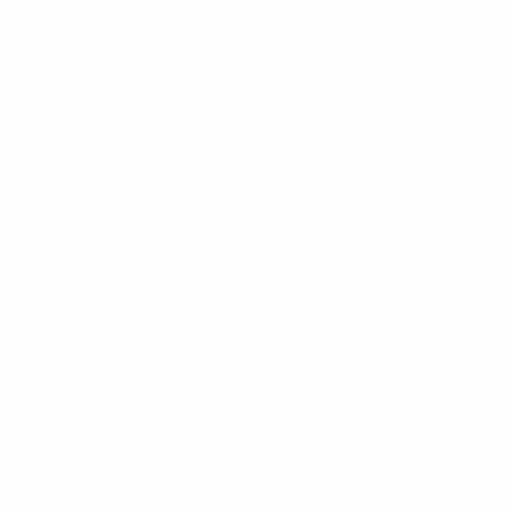
<?xml version="1.0" encoding="UTF-8"?>
<svg version="1.1" xmlns="http://www.w3.org/2000/svg" width="4167" height="4168">
<path d="M0 0 C1375.11 0 2750.22 0 4167 0 C4167 1375.44 4167 2750.88 4167 4168 C2791.89 4168 1416.78 4168 0 4168 C0 2792.56 0 1417.12 0 0 Z " fill="#030303" transform="translate(0,0)"/>
<path d="M0 0 C1375.11 0 2750.22 0 4167 0 C4167 1375.44 4167 2750.88 4167 4168 C2791.89 4168 1416.78 4168 0 4168 C0 2792.56 0 1417.12 0 0 Z M2061.64067078 360.5211792 C2059.0779284 360.9858696 2056.80994174 361.09603126 2054.2109375 361.05004883 C2053.28283264 361.03724884 2052.35472778 361.02444885 2051.39849854 361.01126099 C2050.40074402 360.99336517 2049.4029895 360.97546936 2048.375 360.95703125 C2046.21583721 360.93108906 2044.05665593 360.90665167 2041.89746094 360.88354492 C2040.77045776 360.87100677 2039.64345459 360.85846863 2038.4822998 360.84555054 C2018.23783061 360.65341011 1998.91387562 361.09026742 1979 365 C1977.06907956 365.34283755 1975.13809119 365.68529281 1973.20703125 366.02734375 C1927.19301414 374.65943068 1882.7398184 396.90662749 1848.4609375 428.72265625 C1846.26040554 430.75902154 1844.02271297 432.73261853 1841.75 434.6875 C1835.29736051 440.31220407 1829.49518012 446.443251 1824 453 C1823.36384766 453.75748535 1823.36384766 453.75748535 1822.71484375 454.53027344 C1814.09323308 464.86299764 1805.04345176 475.91309648 1799 488 C1795.77463075 486.59285361 1793.12096304 484.65283885 1790.33374023 482.5234375 C1764.19077721 462.58642616 1734.44626864 449.14705508 1703 440 C1702.27731934 439.78472656 1701.55463867 439.56945312 1700.81005859 439.34765625 C1639.60904128 421.31358846 1570.46506928 430.29940143 1513.69165039 457.75732422 C1504.31700216 462.1513589 1494.96088163 464.48519271 1484.8828125 466.6640625 C1461.54419237 471.7587402 1438.27731906 482.52466349 1418 495 C1417.40719238 495.36303223 1416.81438477 495.72606445 1416.20361328 496.10009766 C1402.2892766 504.68811869 1389.28794017 514.21779406 1377 525 C1376.16082031 525.72703125 1375.32164062 526.4540625 1374.45703125 527.203125 C1363.42035632 536.92548138 1352.91965336 547.28571498 1344 559 C1343.4740625 559.68723145 1342.948125 560.37446289 1342.40625 561.08251953 C1334.58509089 571.34560863 1327.22460965 581.68926737 1321 593 C1320.56059082 593.79664063 1320.12118164 594.59328125 1319.66845703 595.4140625 C1300.6929451 629.97611109 1300.6929451 629.97611109 1293 668 C1292.34741211 667.77860352 1291.69482422 667.55720703 1291.02246094 667.32910156 C1277.6007347 662.8113156 1264.35598147 658.71990894 1250.37011719 656.40576172 C1248.09177356 656.01571154 1245.83433909 655.56277803 1243.5703125 655.09765625 C1191.98156399 645.31481166 1133.65853937 655.76949945 1087 679 C1086.09701172 679.44601562 1085.19402344 679.89203125 1084.26367188 680.3515625 C1071.96124233 686.4741289 1060.13005831 692.92636706 1049 701 C1048.33387695 701.47969238 1047.66775391 701.95938477 1046.98144531 702.45361328 C1038.56166315 708.5480624 1030.61265913 714.91140073 1023 722 C1021.67062367 723.15042183 1020.33742392 724.29644388 1019 725.4375 C1015.95290502 728.06138734 1013.24467598 730.8756967 1010.5 733.8125 C1005.86456589 738.51172449 1000.9267208 741.74607037 995.31323242 745.11083984 C980.56707156 754.00021067 966.35266122 765.17885206 954.40625 777.59375 C953 779 953 779 950.5 780.9375 C947.64814752 783.2902783 945.39225744 785.88153491 943 788.69140625 C940.83411712 791.1914781 938.57584513 793.58794149 936.3125 796 C908.62401299 826.45733571 889.74898813 864.51727728 879 904 C878.68724121 905.13743652 878.68724121 905.13743652 878.36816406 906.29785156 C875.11902748 918.34650476 873.4035132 930.61396732 872 943 C871.90211182 943.8444165 871.80422363 944.68883301 871.70336914 945.55883789 C870.86575333 953.59202934 870.80402223 961.61949254 870.8125 969.6875 C870.8117749 970.39189209 870.8110498 971.09628418 870.81030273 971.82202148 C870.81146424 982.02580895 871.28063839 991.92636221 873 1002 C872.1970752 1002.0093457 871.39415039 1002.01869141 870.56689453 1002.02832031 C807.35588213 1002.94507323 749.0734489 1022.74247484 700 1063 C699.13810059 1063.70527832 699.13810059 1063.70527832 698.25878906 1064.42480469 C685.2624274 1075.1306754 673.36081718 1086.6999439 663 1100 C662.12142527 1101.08986059 661.24113138 1102.17833692 660.359375 1103.265625 C646.8620171 1120.00434348 635.47226322 1138.31812419 626.25 1157.75 C623.80731164 1162.75838981 621.11899357 1166.42230788 617.2890625 1170.4296875 C597.35574286 1192.81215221 582.18180228 1222.69974619 573 1251 C572.72494629 1251.83354004 572.44989258 1252.66708008 572.16650391 1253.52587891 C550.50039361 1319.79799309 553.07303608 1390.36110261 584.19140625 1453.4140625 C584.45824219 1453.93742187 584.72507812 1454.46078125 585 1455 C584.22398437 1455.08121094 583.44796875 1455.16242188 582.6484375 1455.24609375 C577.70872448 1456.26682674 573.27154525 1458.12817167 568.625 1460.0625 C567.64982422 1460.465896 566.67464844 1460.86929199 565.66992188 1461.28491211 C542.66107508 1470.92543763 521.51241902 1483.43277972 502 1499 C501.01902344 1499.7734375 500.03804687 1500.546875 499.02734375 1501.34375 C483.99363619 1513.60349603 469.61115328 1527.57607276 458.22265625 1543.31982422 C456.91287217 1545.11973118 455.56881275 1546.89029093 454.21875 1548.66015625 C447.83523271 1557.09047296 442.15245647 1565.768259 437 1575 C436.54512207 1575.80872559 436.09024414 1576.61745117 435.62158203 1577.45068359 C417.86678739 1609.32389162 407.06366409 1642.93306728 402.5625 1679.0625 C401.56012621 1686.88583394 399.57388387 1693.59298358 396.61328125 1700.87109375 C390.41702517 1716.26978467 387.43241635 1732.65674093 385 1749 C384.82122314 1750.07830078 384.64244629 1751.15660156 384.45825195 1752.26757812 C382.74322142 1763.43322904 382.64460744 1774.4743092 382.6875 1785.75 C382.69023422 1787.23717529 382.69023422 1787.23717529 382.69302368 1788.75439453 C382.80994149 1826.57635208 389.73260786 1862.22427346 405 1897 C405.4321582 1897.98758301 405.4321582 1897.98758301 405.87304688 1898.99511719 C418.18514602 1926.86002657 436.22625653 1953.60049897 458 1975 C456.80254764 1978.59235709 455.67118586 1979.25390793 452.6875 1981.5 C446.48067102 1986.3441399 440.69512202 1991.57323451 435 1997 C434.39961914 1997.57169922 433.79923828 1998.14339844 433.18066406 1998.73242188 C424.83898109 2006.73389166 417.19529262 2014.9514924 410.31054688 2024.24072266 C408.98202909 2026.02412413 407.62639963 2027.78409516 406.265625 2029.54296875 C371.24588632 2075.34752541 354.81806716 2132.87842878 354.6875 2189.9375 C354.68373352 2190.84725586 354.67996704 2191.75701172 354.67608643 2192.69433594 C354.64494465 2207.52987839 355.33383263 2222.19301117 358.54711914 2236.72558594 C360.78841931 2246.88841171 361.37232619 2256.88767318 361.5625 2267.25 C362.10971819 2295.9265183 365.52853768 2324.80135299 375 2352 C375.29181152 2352.89444824 375.58362305 2353.78889648 375.88427734 2354.71044922 C384.07680902 2379.81502552 395.61676046 2403.50984627 411 2425 C411.73734375 2426.03125 412.4746875 2427.0625 413.234375 2428.125 C415.43878314 2431.12674726 417.69844362 2434.07216977 420 2437 C420.73734375 2437.94359375 421.4746875 2438.8871875 422.234375 2439.859375 C434.7170377 2455.2043043 449.27576529 2470.22878709 465.35351562 2481.80224609 C467.09985458 2483.07264035 468.80798116 2484.38515033 470.515625 2485.70703125 C479.50491895 2492.59019324 489.00405834 2498.32145393 498.89453125 2503.81591797 C500.27733853 2504.59358672 501.65030237 2505.38907654 503.01171875 2506.20361328 C506.7355998 2508.46319885 506.7355998 2508.46319885 511 2509 C510.68361572 2509.5168335 510.36723145 2510.03366699 510.04125977 2510.56616211 C472.40134129 2572.22373883 455.4695952 2643.03125718 471.53881836 2714.81103516 C479.29493174 2746.32281241 491.20387237 2777.84424706 509.25 2804.9375 C512.09577835 2809.55685126 513.56149173 2814.48606303 515.1875 2819.625 C523.6273198 2846.18917248 537.3306273 2870.74974162 554 2893 C554.45197754 2893.6089209 554.90395508 2894.2178418 555.36962891 2894.84521484 C562.59081564 2904.51828316 570.62334062 2913.32075208 579 2922 C579.89976562 2922.94101563 580.79953125 2923.88203125 581.7265625 2924.8515625 C587.45638761 2930.72690698 593.56583308 2935.91548023 600 2941 C601.07123058 2941.87257203 602.14151088 2942.74631172 603.2109375 2943.62109375 C630.34337421 2965.63568836 676.60862127 2995.34262664 713 2994 C712.70996094 2995.22009766 712.70996094 2995.22009766 712.4140625 2996.46484375 C708.60978709 3013.20742216 707.62078983 3029.57387303 707.6875 3046.6875 C707.68932281 3047.65933228 707.69114563 3048.63116455 707.69302368 3049.63244629 C707.73441912 3062.73821397 707.9353905 3075.63532421 710.50830078 3088.53173828 C711.04825633 3091.24224009 711.52126401 3093.96096289 711.99609375 3096.68359375 C716.02289768 3118.69222224 723.27167587 3139.87458519 733 3160 C733.37737305 3160.79954102 733.75474609 3161.59908203 734.14355469 3162.42285156 C745.54980238 3186.55253034 760.55629109 3208.68375021 779 3228 C780.2589773 3229.42964416 781.51003631 3230.86633393 782.75 3232.3125 C785.42187314 3235.39787731 788.24510162 3238.26949011 791.15820312 3241.12597656 C792.93444172 3242.93329462 794.58750978 3244.79745801 796.234375 3246.72265625 C799.91785583 3250.95612827 803.78137462 3254.97177531 807.75 3258.9375 C808.44810791 3259.63770264 809.14621582 3260.33790527 809.86547852 3261.05932617 C813.73369587 3264.89462253 817.64627725 3268.45941481 821.9375 3271.8125 C827.52675226 3276.2136178 831.68966491 3281.37505254 836 3287 C840.72271303 3293.01072568 845.55372035 3298.84369822 850.7109375 3304.48828125 C852.25260229 3306.1799032 853.77845444 3307.88605651 855.2890625 3309.60546875 C859.90582863 3314.84890932 864.65872576 3319.51153425 870 3324 C870.98355469 3324.87140625 871.96710937 3325.7428125 872.98046875 3326.640625 C887.13570077 3339.14761645 902.28784379 3349.67929349 918.82470703 3358.79492188 C920.78057952 3359.8784445 922.71797653 3360.98809592 924.65234375 3362.109375 C945.24408707 3373.69078294 968.31083788 3381.52899599 991.3125 3386.6875 C992.15184082 3386.87803955 992.99118164 3387.0685791 993.85595703 3387.26489258 C1011.09598819 3390.92811938 1028.15966309 3392.46667735 1045.76367188 3392.28125 C1048.79048871 3392.24957631 1051.81678224 3392.24020356 1054.84375 3392.234375 C1056.80729795 3392.22521953 1058.7708407 3392.21484846 1060.734375 3392.203125 C1061.6199408 3392.19887512 1062.50550659 3392.19462524 1063.41790771 3392.19024658 C1073.48865203 3392.46142638 1073.48865203 3392.46142638 1083 3390 C1083.03738281 3390.54785156 1083.07476563 3391.09570312 1083.11328125 3391.66015625 C1087.8189689 3448.40521325 1118.25979021 3501.63090963 1157 3542 C1157.85335937 3542.89460938 1158.70671875 3543.78921875 1159.5859375 3544.7109375 C1165.36579414 3550.63665803 1171.52840116 3555.85118591 1178 3561 C1179.12290236 3561.93402785 1180.24391346 3562.87033287 1181.36328125 3563.80859375 C1196.6720894 3576.53279792 1213.74441529 3586.16067813 1231.1328125 3595.74609375 C1234.55226574 3597.63109321 1237.94947996 3599.53808613 1241.3046875 3601.53515625 C1250.97186629 3607.25984055 1261.0638982 3611.48396583 1271.4609375 3615.71875 C1279.20561177 3618.8819581 1286.63477958 3622.19154884 1293.4375 3627.125 C1348.88075828 3667.22156439 1423.67300203 3679.06742059 1490.06835938 3668.51220703 C1513.00227112 3664.51451746 1535.02620744 3656.39963759 1556.16015625 3646.796875 C1558 3646 1558 3646 1561 3645 C1561.391875 3645.804375 1561.78375 3646.60875 1562.1875 3647.4375 C1566.58062576 3656.07226442 1571.57611719 3664.18039301 1576.9375 3672.25 C1577.59298828 3673.24257812 1578.24847656 3674.23515625 1578.92382812 3675.2578125 C1585.46332126 3684.99281313 1592.85965975 3693.88637614 1600.76171875 3702.5390625 C1602.23984046 3704.16422249 1603.70127261 3705.80473906 1605.14453125 3707.4609375 C1634.69755889 3741.22061232 1676.81569373 3765.02248561 1719 3779 C1719.66193359 3779.21962402 1720.32386719 3779.43924805 1721.00585938 3779.66552734 C1736.87722746 3784.7795464 1753.52979728 3787.46473288 1769.88052368 3790.59057617 C1771.97913686 3790.99596982 1774.07496933 3791.41374311 1776.1706543 3791.83398438 C1784.61419685 3793.50560775 1792.98111288 3794.54794304 1801.5625 3795.25 C1812.83779058 3796.3061108 1822.91303677 3798.75879122 1833.6328125 3802.29296875 C1841.936699 3805.01279676 1850.38847819 3806.60301261 1859 3808 C1860.31436035 3808.22429688 1860.31436035 3808.22429688 1861.65527344 3808.453125 C1892.02958069 3813.4704545 1923.78093514 3812.48705176 1954 3807 C1955.56621094 3806.71914551 1955.56621094 3806.71914551 1957.1640625 3806.43261719 C1971.19154821 3803.83609729 1984.62540123 3799.93799817 1998 3795 C1998.8362793 3794.69191406 1999.67255859 3794.38382813 2000.53417969 3794.06640625 C2034.40851292 3781.41438872 2064.29302589 3762.73057484 2090.37109375 3737.7265625 C2091.07363281 3737.07429688 2091.77617187 3736.42203125 2092.5 3735.75 C2093.0878125 3735.18796875 2093.675625 3734.6259375 2094.28125 3734.046875 C2096 3733 2096 3733 2098.0390625 3733.1484375 C2100.25879502 3734.11238509 2101.27600086 3735.06856313 2102.875 3736.875 C2108.34750324 3742.58087224 2114.70616315 3747.24805349 2121 3752 C2121.57169922 3752.43248047 2122.14339844 3752.86496094 2122.73242188 3753.31054688 C2151.68405997 3775.03264297 2185.76028043 3789.90273552 2220.875 3798.25 C2222.32338257 3798.60118896 2222.32338257 3798.60118896 2223.80102539 3798.95947266 C2242.35969762 3803.1680962 2261.01860495 3804.55783171 2280 3804.4375 C2281.01570068 3804.43479095 2282.03140137 3804.43208191 2283.07788086 3804.42929077 C2299.41236682 3804.36369363 2315.18678269 3803.3064315 2331.31689453 3800.61181641 C2334.58217137 3800.0694073 2337.8494737 3799.56296033 2341.12301636 3799.07426453 C2344.56284517 3798.56031009 2348.00029597 3798.03118613 2351.4375 3797.5 C2352.66339844 3797.31091064 2353.88929687 3797.12182129 2355.15234375 3796.92700195 C2360.79050025 3796.0119506 2366.30483464 3794.96232884 2371.82458496 3793.48092651 C2381.00644222 3791.01669664 2389.9700816 3790.02323848 2399.4375 3789.375 C2402.37412185 3789.15913407 2405.31016111 3788.93596741 2408.24609375 3788.7109375 C2408.96401596 3788.65658539 2409.68193817 3788.60223328 2410.4216156 3788.54623413 C2415.70007575 3788.13437557 2420.95934222 3787.60797883 2426.21875 3787 C2426.91089096 3786.92147797 2427.60303192 3786.84295593 2428.31614685 3786.76205444 C2433.32023002 3786.16217363 2438.10974955 3785.16115221 2442.96484375 3783.828125 C2445.0901883 3783.24823691 2447.23033848 3782.7212181 2449.37890625 3782.234375 C2493.79578961 3772.04489185 2536.0758271 3749.71822076 2569.30859375 3718.50390625 C2571.45200861 3716.50981492 2573.62434917 3714.61837468 2575.875 3712.75 C2598.7542146 3692.76029283 2617.18163415 3665.40904595 2630 3638 C2630 3637.34 2630 3636.68 2630 3636 C2630.94875 3636.4125 2631.8975 3636.825 2632.875 3637.25 C2649.77219433 3644.47379426 2666.99918718 3650.33400714 2684.9375 3654.375 C2685.98921387 3654.61355713 2687.04092773 3654.85211426 2688.12451172 3655.09790039 C2704.9361243 3658.70001685 2721.4220661 3659.37336802 2738.5625 3659.3125 C2739.62581543 3659.31067719 2740.68913086 3659.30885437 2741.78466797 3659.30697632 C2757.08132797 3659.26278046 2771.93235131 3658.83833775 2787 3656 C2787.92329102 3655.8443457 2788.84658203 3655.68869141 2789.79785156 3655.52832031 C2816.14694782 3651.07907959 2841.15215161 3641.90364228 2865 3630 C2866.16450684 3629.42056641 2867.32901367 3628.84113281 2868.52880859 3628.24414062 C2884.78952495 3620.11972599 2900.83371037 3611.61725383 2916.05908203 3601.65234375 C2920.32947128 3598.88413759 2924.40725473 3596.91920156 2929.25 3595.25 C2974.85230023 3578.81391172 3017.28590949 3548.47309481 3047 3510 C3048.16015625 3508.56527344 3048.16015625 3508.56527344 3049.34375 3507.1015625 C3065.09811913 3487.30888989 3077.89448615 3464.72050244 3087.13427734 3441.19921875 C3087.94261467 3439.14577751 3088.77526726 3437.10396211 3089.61328125 3435.0625 C3094.17826897 3423.69432982 3097.13597743 3411.89337113 3100 3400 C3100.19577637 3399.2052124 3100.39155273 3398.4104248 3100.59326172 3397.59155273 C3101.75794226 3392.67196322 3102.35201756 3387.9876752 3102.625 3382.9375 C3102.73714844 3380.97103516 3102.73714844 3380.97103516 3102.8515625 3378.96484375 C3102.90054688 3377.98644531 3102.94953125 3377.00804688 3103 3376 C3103.85748085 3376.24300591 3103.85748085 3376.24300591 3104.73228455 3376.49092102 C3106.9965993 3376.99923658 3108.96693905 3377.13322098 3111.28344727 3377.14526367 C3112.12275284 3377.15164352 3112.96205841 3377.15802338 3113.82679749 3377.16459656 C3115.18290382 3377.16626579 3115.18290382 3377.16626579 3116.56640625 3377.16796875 C3117.51450668 3377.17129715 3118.46260712 3377.17462555 3119.43943787 3377.17805481 C3121.45433061 3377.18311966 3123.46923175 3377.18546327 3125.48413086 3377.18530273 C3128.4993374 3377.18745492 3131.51415676 3377.20551836 3134.52929688 3377.22460938 C3192.44812954 3377.39922282 3248.21920071 3357.26827403 3294 3322 C3294.92425781 3321.28972656 3295.84851562 3320.57945312 3296.80078125 3319.84765625 C3302.77375284 3315.15659769 3308.40044872 3310.12670028 3314 3305 C3314.98355469 3304.12085937 3315.96710937 3303.24171875 3316.98046875 3302.3359375 C3330.26659629 3290.42511113 3342.01335216 3276.72645397 3352.1875 3262.0625 C3356.11556698 3256.546667 3360.83048776 3252.33278029 3366 3248 C3375.06054452 3240.26078489 3383.21611564 3232.10995023 3390.65234375 3222.78515625 C3393.12735992 3219.84890579 3395.75470968 3217.18419902 3398.5 3214.5 C3403.7843917 3209.31115363 3408.4360181 3203.82466221 3413 3198 C3413.77859375 3197.03835937 3414.5571875 3196.07671875 3415.359375 3195.0859375 C3453.42004519 3147.20706895 3473.18183585 3087.08552446 3473.25 3026.1875 C3473.25200912 3025.11375122 3473.25200912 3025.11375122 3473.25405884 3024.01831055 C3473.24875587 3010.83622357 3472.16105084 2998.01465072 3470 2985 C3469.85594727 2984.12214844 3469.71189453 2983.24429688 3469.56347656 2982.33984375 C3468.76668291 2977.5482411 3467.91393225 2972.7705967 3467 2968 C3467.96550781 2967.88785156 3468.93101562 2967.77570312 3469.92578125 2967.66015625 C3490.78624464 2964.6531955 3511.5569907 2954.83471722 3530 2945 C3530.64888184 2944.65888184 3531.29776367 2944.31776367 3531.96630859 2943.96630859 C3546.67252072 2936.19131785 3560.26285277 2926.69364853 3573 2916 C3573.7739209 2915.35925537 3573.7739209 2915.35925537 3574.56347656 2914.70556641 C3586.3053708 2904.97028406 3597.34663309 2894.72074958 3606.828125 2882.73046875 C3609.1280999 2879.83895354 3611.52883739 2877.05137934 3613.9375 2874.25 C3619.53819638 2867.5308983 3624.32490141 2860.38414104 3629 2853 C3629.56219238 2852.12118164 3629.56219238 2852.12118164 3630.13574219 2851.22460938 C3639.81330002 2836.00359609 3647.62393232 2819.89423072 3654.0625 2803.0625 C3657.02385376 2795.36657537 3660.12805191 2788.61855617 3664.96459961 2781.95043945 C3676.09133208 2766.33771154 3684.0426114 2747.7849097 3691 2730 C3691.38607422 2729.03304199 3691.77214844 2728.06608398 3692.16992188 2727.06982422 C3701.86136653 2702.792075 3709.88826233 2678.86968286 3714 2653 C3714.16371094 2652.01692871 3714.32742187 2651.03385742 3714.49609375 2650.02099609 C3719.38665964 2619.85408606 3718.0234971 2589.040695 3713 2559 C3712.79165527 2557.74364746 3712.79165527 2557.74364746 3712.57910156 2556.46191406 C3707.37663012 2527.00771826 3694.02969454 2499.09616302 3680 2473 C3680.68835937 2472.76410156 3681.37671875 2472.52820312 3682.0859375 2472.28515625 C3685.58705105 2470.74109947 3688.55016139 2468.6807384 3691.625 2466.4375 C3692.23891602 2465.99349854 3692.85283203 2465.54949707 3693.48535156 2465.09204102 C3699.17122329 2460.94271195 3704.64893464 2456.57376993 3710 2452 C3710.76054687 2451.35160156 3711.52109375 2450.70320313 3712.3046875 2450.03515625 C3724.4425928 2439.38894638 3736.27470041 2427.91273484 3746 2415 C3746.62865967 2414.17798096 3746.62865967 2414.17798096 3747.27001953 2413.33935547 C3763.63448262 2391.89444103 3777.44342083 2368.25632219 3787 2343 C3787.34015137 2342.10168457 3787.68030273 2341.20336914 3788.03076172 2340.27783203 C3793.08731229 2326.73541513 3797.07339544 2313.15391396 3800 2299 C3800.15307617 2298.27683594 3800.30615234 2297.55367187 3800.46386719 2296.80859375 C3803.71252475 2281.18583603 3804.91185548 2265.34992442 3805.23828125 2249.41796875 C3805.2652005 2248.14545258 3805.2652005 2248.14545258 3805.29266357 2246.847229 C3805.37867293 2242.6004048 3805.44541861 2238.35446185 3805.48291016 2234.10693359 C3805.6032759 2225.01914844 3806.35791482 2216.49557027 3808.25366211 2207.59887695 C3811.42688678 2192.29743606 3811.69474472 2176.56845355 3812 2161 C3812.01673767 2160.20307739 3812.03347534 2159.40615479 3812.05072021 2158.58508301 C3813.47981143 2088.6246481 3797.87491368 2023.18564375 3753 1968 C3752.36022217 1967.20577637 3752.36022217 1967.20577637 3751.70751953 1966.39550781 C3736.88045425 1948.040467 3736.88045425 1948.040467 3719 1933 C3720.38437155 1930.05366748 3721.98899957 1927.49526757 3723.90625 1924.8671875 C3731.7716542 1913.94877909 3738.81306628 1902.9486861 3745 1891 C3745.36319336 1890.30390625 3745.72638672 1889.6078125 3746.10058594 1888.890625 C3759.63890277 1862.81864471 3768.58493056 1835.9485903 3773.3125 1806.9375 C3773.55154053 1805.47763672 3773.55154053 1805.47763672 3773.79541016 1803.98828125 C3775.80066731 1790.86456957 3776.23834558 1777.63477088 3776.25 1764.375 C3776.25067474 1763.66989288 3776.25134949 1762.96478577 3776.25204468 1762.23831177 C3776.20076475 1727.98092207 3770.89061317 1693.04924028 3756.98828125 1661.53125 C3755.27455195 1657.14193542 3754.6993101 1652.63815932 3754 1648 C3753.40393327 1644.71991025 3752.78975989 1641.44416523 3752.16650391 1638.16918945 C3752.03550293 1637.48042725 3751.90450195 1636.79166504 3751.76953125 1636.08203125 C3751.63885254 1635.3957666 3751.50817383 1634.70950195 3751.37353516 1634.00244141 C3751.02877355 1632.15424879 3750.70670224 1630.30186201 3750.38671875 1628.44921875 C3748.42814525 1617.64702505 3745.17312933 1607.33067054 3741.88769531 1596.87060547 C3741.05980208 1594.19338637 3740.26695224 1591.50941383 3739.4921875 1588.81640625 C3729.76164028 1555.02987612 3715.03810033 1522.60029773 3693 1495 C3692.33613281 1494.14535156 3691.67226562 1493.29070312 3690.98828125 1492.41015625 C3686.94444693 1487.25406887 3682.69427522 1482.33185651 3678.2734375 1477.49609375 C3676.78180459 1475.85837308 3675.30709219 1474.20504577 3673.8515625 1472.53515625 C3653.52512165 1449.31017961 3627.30545645 1431.95508269 3600.1875 1417.6875 C3599.23302979 1417.1836377 3598.27855957 1416.67977539 3597.29516602 1416.16064453 C3587.60139912 1410.55110912 3587.60139912 1410.55110912 3577 1408 C3577.29132812 1407.35160156 3577.58265625 1406.70320313 3577.8828125 1406.03515625 C3582.72861486 1394.438755 3585.28938876 1382.23605943 3588 1370 C3588.27191162 1368.84830322 3588.27191162 1368.84830322 3588.54931641 1367.67333984 C3592.12052334 1351.61160195 3592.40873638 1335.06668152 3592.375 1318.6875 C3592.37445618 1317.68620056 3592.37391235 1316.68490112 3592.37335205 1315.65325928 C3592.30972986 1290.03794713 3589.20302207 1265.65491556 3582 1241 C3581.76555176 1240.1970752 3581.53110352 1239.39415039 3581.28955078 1238.56689453 C3570.60667644 1202.85427934 3552.2390865 1168.72082456 3527.4375 1140.875 C3522.39994672 1134.83545164 3519.18213326 1127.8840108 3515.64990234 1120.89526367 C3510.80498326 1111.39564702 3505.16856525 1102.68348678 3499 1094 C3498.4726123 1093.25411621 3497.94522461 1092.50823242 3497.40185547 1091.73974609 C3493.65337866 1086.45447266 3489.84091371 1081.2183529 3486 1076 C3485.48405273 1075.29568848 3484.96810547 1074.59137695 3484.43652344 1073.86572266 C3472.74454862 1057.93123127 3460.20420465 1041.37580552 3444.9609375 1028.65234375 C3442.73564151 1026.77724374 3440.62882788 1024.79634126 3438.5 1022.8125 C3414.93786537 1001.6245652 3386.39752406 985.49068775 3357 974 C3356.17290527 973.67660645 3355.34581055 973.35321289 3354.49365234 973.02001953 C3328.58348002 963.06476347 3301.52753218 959.17888808 3274 957 C3273.9906543 956.32348389 3273.98130859 955.64696777 3273.97167969 954.94995117 C3273.67017566 937.35187072 3272.09282779 920.32614753 3269 903 C3268.78585449 901.76660889 3268.78585449 901.76660889 3268.56738281 900.50830078 C3264.68902329 878.82986748 3256.72401874 857.69202338 3247 838 C3246.57992676 837.14212891 3246.15985352 836.28425781 3245.72705078 835.40039062 C3239.40668068 822.60498063 3232.28177352 810.6194825 3224 799 C3223.24734863 797.94208252 3223.24734863 797.94208252 3222.47949219 796.86279297 C3215.87161317 787.65213203 3208.77382634 779.2419807 3201 771 C3199.741913 769.56957232 3198.49087487 768.13288431 3197.25 766.6875 C3191.65201535 760.25181218 3185.53317631 754.47542396 3179 749 C3178.49500977 748.57589844 3177.99001953 748.15179687 3177.46972656 747.71484375 C3166.43471204 738.50724302 3154.79771883 730.07632496 3142.35546875 722.85546875 C3135.46413115 718.8416529 3130.1792452 714.50898952 3124.6796875 708.73046875 C3121.24608036 705.23179325 3117.54581238 702.20549807 3113.7109375 699.16015625 C3111.98229941 697.78272561 3110.27609773 696.37631222 3108.6015625 694.93359375 C3074.05233696 665.34332645 3027.87866094 645.02594071 2983 638 C2982.14841309 637.86013672 2981.29682617 637.72027344 2980.41943359 637.57617188 C2934.05917174 629.97864228 2889.32306337 634.83178839 2845 650 C2844.92523437 648.95972656 2844.85046875 647.91945313 2844.7734375 646.84765625 C2843.96368066 640.46066412 2841.72976222 634.49401197 2839.625 628.4375 C2839.40413727 627.80061249 2839.18327454 627.16372498 2838.95571899 626.50753784 C2828.43236769 596.35558085 2812.42471222 568.53165615 2792 544 C2791.56993652 543.47970215 2791.13987305 542.9594043 2790.69677734 542.42333984 C2780.18332123 529.74502598 2769.04428041 518.10848328 2756 508 C2754.71087892 506.98184499 2753.42182081 505.96361027 2752.1328125 504.9453125 C2718.78770786 478.81416219 2681.14716188 460.7129086 2639.75 451.375 C2631.04968421 449.41117024 2623.23654406 447.2070619 2615.30761719 443.125 C2586.30069182 428.24231506 2550.50275834 420.65429249 2518 420 C2516.91460938 419.96890137 2515.82921875 419.93780273 2514.7109375 419.90576172 C2494.42781604 419.3746642 2475.03270124 420.68373611 2455 424 C2454.06349609 424.15484863 2453.12699219 424.30969727 2452.16210938 424.46923828 C2409.53073059 431.83269181 2369.65608644 452.34930973 2336 479 C2333.2304388 475.59683635 2330.5937132 472.11757512 2327.99414062 468.58496094 C2313.42599495 448.86559513 2296.74966592 429.68269624 2277 415 C2275.85665767 414.12775248 2274.71343707 413.25534539 2273.5703125 412.3828125 C2241.70104283 388.30530384 2205.67712443 372.51790293 2167 363 C2166.25427734 362.80970215 2165.50855469 362.6194043 2164.74023438 362.42333984 C2160.52504402 361.36078796 2156.30281951 360.59148512 2152 360 C2151.03852051 359.86754883 2150.07704102 359.73509766 2149.08642578 359.59863281 C2120.59605846 355.84823688 2089.88714344 354.281493 2061.64067078 360.5211792 Z " fill="#FEFEFE" transform="translate(0,0)"/>
<path d="M0 0 C1.75476162 0.08518639 3.50953803 0.17006871 5.264328 0.25466919 C8.90888341 0.43146554 12.55324985 0.61165042 16.19750977 0.79443359 C20.7957463 1.02482752 25.39434126 1.24688276 29.99309444 1.46668911 C62.22469037 3.01208793 62.22469037 3.01208793 76.41015625 4.19140625 C77.27127518 4.26024017 78.1323941 4.3290741 79.01960754 4.3999939 C87.07756098 5.13321813 94.66266617 7.16974758 102.40112305 9.45965576 C106.95932552 10.79198709 111.54977867 12.00541212 116.13671875 13.234375 C117.24392776 13.53205276 118.35113678 13.82973053 119.49189758 14.13642883 C127.01149179 16.15562082 134.53582647 18.15647377 142.06184101 20.1515646 C148.56538135 21.87678584 155.06515746 23.61584829 161.56312847 25.36192417 C165.74295132 26.48447206 169.92426022 27.60064877 174.10961914 28.70239258 C196.35872337 34.56531249 217.63511328 41.42539297 238.91796875 50.1953125 C241.57492083 51.2723938 244.23464222 52.34254921 246.89453125 53.41235352 C251.93775266 55.44361236 256.97511708 57.48794834 262.00390625 59.5546875 C267.77777124 61.92354525 273.56365376 64.26086974 279.35728455 66.58096313 C283.33471757 68.17538021 287.30848579 69.77881514 291.28189087 71.38323975 C293.22434792 72.16525668 295.16830862 72.94355059 297.11386108 73.71783447 C307.31336347 77.77987738 316.93933696 81.76514292 325.91796875 88.1953125 C327.51559997 89.2728037 329.11456796 90.3483154 330.71484375 91.421875 C332.36694586 92.55314038 334.0179346 93.68603297 335.66796875 94.8203125 C337.60515745 96.14628824 339.54267672 97.47178113 341.48046875 98.796875 C343.03314453 99.85890137 343.03314453 99.85890137 344.6171875 100.94238281 C349.97874929 104.60188667 355.35310078 108.24245342 360.72827148 111.88192749 C362.67779287 113.20196449 364.62699972 114.52246496 366.57617188 115.84301758 C372.96585772 120.1710476 379.35871695 124.49430816 385.75750732 128.80886841 C388.81930744 130.87352854 391.88017919 132.93956299 394.94104004 135.00561523 C396.40335078 135.99203172 397.86614497 136.97773198 399.32946777 137.96264648 C421.81667548 153.09829211 421.81667548 153.09829211 430.91796875 161.1328125 C432.10976642 162.17031786 433.30248516 163.20676605 434.49609375 164.2421875 C435.36137695 164.99338867 435.36137695 164.99338867 436.24414062 165.75976562 C438.68006893 167.84892234 441.17187022 169.86619053 443.66796875 171.8828125 C448.04592388 175.43510065 452.22910526 179.15562307 456.39453125 182.953125 C458.96879233 185.24047154 461.61086364 187.41079521 464.29296875 189.5703125 C468.84978459 193.25427348 473.16039244 197.1280962 477.44580078 201.11767578 C480.59142376 204.02871678 483.8160495 206.77581992 487.16796875 209.4453125 C501.32534468 220.89432086 513.23143986 233.42113513 523.70556641 248.31201172 C527.56142922 253.77072659 531.60279865 259.07882082 535.66796875 264.3828125 C541.40435546 271.86961357 547.0521585 279.4116137 552.62133789 287.0234375 C556.36397386 292.12466889 560.17645537 297.16626648 564.03173828 302.18286133 C576.39500074 318.27955541 587.16095181 334.65826161 597.24853516 352.28125 C599.23820024 355.75428926 601.24508745 359.21711436 603.25415039 362.67895508 C605.94088455 367.3092635 608.61805702 371.94511094 611.29589844 376.58056641 C617.88242223 387.98462292 617.88242223 387.98462292 624.53393555 399.35083008 C625.33435486 400.71012205 626.13268241 402.07064783 626.92895508 403.43237305 C629.39093745 407.63626476 631.90032897 411.80669625 634.4453125 415.9609375 C641.09849413 426.92797036 646.8471441 437.36179068 650.23664856 449.77099609 C652.9115415 459.28896859 656.02105329 468.68732097 659.07717705 478.08792877 C659.74789667 480.15157779 660.41711363 482.21570904 661.08595276 484.27996826 C662.98462057 490.1393213 664.88512381 495.99807652 666.78833008 501.85595703 C680.34797166 543.60038718 680.34797166 543.60038718 684.66796875 563.5703125 C685.0053958 565.1079762 685.34313293 566.64557188 685.68115234 568.18310547 C688.5885779 581.46310526 691.35480963 594.7730548 694.11633301 608.08401489 C696.65042091 620.29649491 699.2739752 632.47576016 702.15478516 644.61181641 C702.37569824 645.54300293 702.59661133 646.47418945 702.82421875 647.43359375 C703.01306641 648.21774658 703.20191406 649.00189941 703.39648438 649.80981445 C704.43107497 654.5424852 705.04509022 659.04698973 705.05078125 663.89453125 C705.05279541 665.00078857 705.05480957 666.1070459 705.05688477 667.24682617 C705.05229248 668.44670166 705.0477002 669.64657715 705.04296875 670.8828125 C705.04031006 672.16969971 705.03765137 673.45658691 705.03491211 674.7824707 C704.99627698 684.85206607 704.74063274 694.91208033 704.41213989 704.97622681 C704.07203483 715.41702299 703.84663064 725.85539406 703.69921875 736.30078125 C703.67165749 738.17756813 703.67165749 738.17756813 703.64353943 740.0922699 C703.53307743 747.65544613 703.53307743 747.65544613 703.4392395 755.21884155 C703.1168722 783.67958127 700.86067829 811.71059003 697.24700928 839.91918945 C696.8014146 843.41088853 696.36493343 846.90372589 695.92773438 850.39648438 C695.41470184 854.49222897 694.89990764 858.58771311 694.37588501 862.68206787 C693.58658213 868.85482236 692.81343557 875.02781153 692.10107422 881.20996094 C691.97349228 882.29580978 691.84591034 883.38165863 691.71446228 884.50041199 C691.48259358 886.48433573 691.25759007 888.46908182 691.04151917 890.45478821 C690.11985125 898.24934505 687.98862874 905.40003515 685.0703125 912.67578125 C683.16757143 917.51624607 681.37676301 922.39193727 679.60438538 927.2815094 C675.38353104 938.92175891 671.05661941 950.51876893 666.61865234 962.078125 C664.4563434 967.72878136 662.40360086 973.4085131 660.41235352 979.12133789 C658.08531483 985.77407526 655.6743111 992.39576544 653.25039673 999.01370239 C652.57507008 1000.85766081 651.90114739 1002.70213322 651.22729492 1004.54663086 C650.06487584 1007.71533545 648.89090482 1010.87936239 647.71261597 1014.04217529 C646.85568009 1016.3640868 646.01919979 1018.69291851 645.18188477 1021.02197266 C640.25361737 1034.54673715 634.16520971 1047.26971436 627.60546875 1060.0703125 C625.6469135 1063.91978569 623.6940104 1067.77210962 621.7421875 1071.625 C621.26177505 1072.57150421 620.78136261 1073.51800842 620.28639221 1074.49319458 C613.53544938 1087.83837976 607.14843644 1101.3609436 600.8556366 1114.92721558 C595.75467867 1125.71162844 589.46555266 1134.39760351 581.57421875 1143.29296875 C579.06974276 1146.16957207 576.7448804 1149.17472752 574.41796875 1152.1953125 C569.23171576 1158.86170867 563.86231945 1165.37012462 558.48046875 1171.87890625 C551.55418225 1180.2582731 544.6988981 1188.69787174 537.91796875 1197.1953125 C537.33171219 1197.92492188 536.74545563 1198.65453125 536.14143372 1199.40625 C534.55055795 1201.40180738 532.97980214 1203.40690125 531.41899109 1205.42553711 C522.23842286 1217.15481099 511.95781382 1227.7122006 501.47473359 1238.27204514 C499.97927521 1239.77869235 498.48538344 1241.28687797 496.99185753 1242.79544067 C492.27465353 1247.55878237 487.5512486 1252.31585105 482.81903344 1257.06428051 C477.43713043 1262.46485571 472.07722538 1267.88606079 466.73547155 1273.32634449 C462.54999322 1277.58621801 458.3445311 1281.82572849 454.12465304 1286.05152416 C451.62998271 1288.55055264 449.14341564 1291.05631835 446.67801857 1293.58425903 C433.45638252 1307.12286382 420.13131289 1317.26705176 403.76711082 1326.5537262 C399.52820116 1328.996053 395.40995326 1331.61687938 391.29296875 1334.2578125 C389.78037254 1335.21811707 388.26740107 1336.17783106 386.75390625 1337.13671875 C385.98272461 1337.62543457 385.21154297 1338.11415039 384.41699219 1338.61767578 C378.56743232 1342.31051047 372.6947653 1345.96673968 366.82202148 1349.62255859 C362.18423113 1352.51288852 357.55761816 1355.41492968 352.9765625 1358.39453125 C333.8729523 1370.78844401 313.40815485 1380.48913467 292.92782593 1390.35545349 C285.68485911 1393.84545331 278.47266973 1397.38891578 271.29296875 1401.0078125 C263.15229832 1405.10545522 254.9695843 1409.10467124 246.7253418 1412.99023438 C241.71022334 1415.35704278 236.74448748 1417.78489687 231.82421875 1420.34375 C218.34908661 1427.26640235 205.65257262 1431.5000004 190.81640625 1434.40869141 C183.83296623 1435.81779986 176.89079142 1437.41319964 169.94274902 1438.98614502 C167.35241002 1439.57100311 164.76084866 1440.15014497 162.16894531 1440.72802734 C154.07867675 1442.53702794 146.00507148 1444.38927845 137.96484375 1446.41015625 C137.26127243 1446.58695923 136.55770111 1446.76376221 135.83280945 1446.94592285 C135.13927872 1447.12022827 134.44574799 1447.29453369 133.73120117 1447.47412109 C111.03654341 1453.17277523 88.22777866 1456.12539885 65.01025391 1458.69848633 C55.95720475 1459.70536868 46.93576183 1460.84150951 37.91796875 1462.1328125 C23.68784274 1464.1646707 9.41944111 1465.81473535 -4.86132812 1467.44506836 C-6.17746346 1467.59539017 -6.17746346 1467.59539017 -7.52018738 1467.74874878 C-9.24922556 1467.94604904 -10.97832032 1468.14285419 -12.70747375 1468.33914185 C-17.40871625 1468.87604803 -22.10358425 1469.44738777 -26.79598999 1470.05656433 C-58.42972055 1474.15221739 -90.98995453 1467.77366621 -121.88757324 1461.03820801 C-127.05553298 1459.91180133 -132.22708629 1458.80212013 -137.3984375 1457.69140625 C-138.92173172 1457.36367722 -138.92173172 1457.36367722 -140.47579956 1457.02932739 C-148.74631377 1455.25484287 -157.03177838 1453.57478261 -165.33203125 1451.9453125 C-175.24572639 1449.99296131 -185.11223331 1447.88830315 -194.96728516 1445.65966797 C-207.83577357 1442.76663629 -220.75369324 1440.10886706 -233.6706543 1437.44213867 C-238.0028878 1436.54645351 -242.33072986 1435.63148826 -246.65682983 1434.70666504 C-248.96461009 1434.2200707 -251.27609423 1433.75682333 -253.58911133 1433.29589844 C-264.00550118 1431.13905592 -273.01501689 1427.40637585 -282.51953125 1422.6953125 C-284.00706901 1421.97428294 -285.49553089 1421.25515711 -286.98486328 1420.5378418 C-289.96320017 1419.1022636 -292.93810056 1417.65993392 -295.91064453 1416.21240234 C-301.72033461 1413.39219508 -307.58525662 1410.69617182 -313.45703125 1408.0078125 C-315.53531819 1407.05113298 -317.61344315 1406.09410148 -319.69140625 1405.13671875 C-320.72458984 1404.66121582 -321.75777344 1404.18571289 -322.82226562 1403.69580078 C-332.26575085 1399.34891191 -341.70441447 1394.99307709 -351.11816406 1390.58203125 C-352.88104243 1389.7572249 -354.64545693 1388.93566933 -356.41308594 1388.12109375 C-367.03951334 1383.21419985 -376.9416098 1377.14574215 -386.90234375 1371.02832031 C-395.40128244 1365.80876296 -403.96246 1360.71291786 -412.58203125 1355.6953125 C-422.72438095 1349.78542142 -432.7922581 1343.76663406 -442.80566406 1337.64086914 C-449.45100185 1333.57658356 -456.12150949 1329.56673144 -462.86328125 1325.6640625 C-463.83479126 1325.10048035 -463.83479126 1325.10048035 -464.82592773 1324.5255127 C-467.9251286 1322.72881539 -471.0285522 1320.94032153 -474.140625 1319.16601562 C-484.43145514 1313.21902386 -494.09391775 1306.70856294 -502.33203125 1298.0703125 C-506.1492032 1294.1288027 -510.04407174 1290.3929144 -514.22265625 1286.8359375 C-516.97637923 1284.40618193 -519.51285723 1281.77447203 -522.0859375 1279.15625 C-523.99714744 1277.27870129 -525.9723776 1275.54721836 -528.01953125 1273.8203125 C-535.42443968 1267.42779389 -541.50287579 1259.75066098 -547.640625 1252.171875 C-550.36733608 1248.84746885 -553.15283147 1245.57933215 -555.95703125 1242.3203125 C-563.2270352 1233.86792158 -570.48682785 1225.40955553 -577.51953125 1216.7578125 C-581.9311618 1211.33960671 -586.47526767 1206.042604 -591.03125 1200.74609375 C-597.27630446 1193.48500247 -603.47834275 1186.18977821 -609.51953125 1178.7578125 C-613.9311618 1173.33960671 -618.47526767 1168.042604 -623.03125 1162.74609375 C-629.34172871 1155.40893404 -635.59590237 1148.02306655 -641.76953125 1140.5703125 C-642.41277344 1139.79429688 -643.05601563 1139.01828125 -643.71875 1138.21875 C-650.17108465 1129.96402766 -655.65001641 1121.76546298 -660.33203125 1112.3828125 C-661.45765316 1110.17086515 -662.58529783 1107.95994611 -663.71484375 1105.75 C-664.55644043 1104.10016113 -664.55644043 1104.10016113 -665.41503906 1102.41699219 C-667.92535201 1097.5654852 -670.56301256 1092.78735151 -673.20703125 1088.0078125 C-678.70272536 1078.02836138 -683.82070248 1067.88539441 -688.85205078 1057.66552734 C-689.96581502 1055.4287138 -691.10626046 1053.20952324 -692.265625 1050.99609375 C-697.23412489 1041.46826456 -701.0719556 1031.70027836 -704.79882812 1021.63037109 C-707.13924816 1015.36520559 -709.5502692 1009.12707303 -711.95440674 1002.88613892 C-712.90197671 1000.425982 -713.84829722 997.96534725 -714.79443359 995.50463867 C-718.55916922 985.71821305 -722.34191304 975.93886664 -726.13671875 966.1640625 C-726.56347397 965.06463318 -726.99022919 963.96520386 -727.42991638 962.8324585 C-729.52996506 957.42306825 -731.63161886 952.0143089 -733.7355957 946.60644531 C-734.51125784 944.61003668 -735.28689383 942.61361788 -736.0625 940.6171875 C-736.40985199 939.72592163 -736.75720398 938.83465576 -737.11508179 937.91638184 C-737.78227561 936.19784555 -738.4440005 934.47717526 -739.10003662 932.75434875 C-739.75838773 931.03871377 -740.43530509 929.33009613 -741.12994385 927.62882996 C-744.13493889 919.98829509 -745.46280777 912.30631294 -746.66796875 904.21484375 C-746.89355174 902.75682612 -747.12010835 901.29895885 -747.3475647 899.8412323 C-747.94370156 896.00303195 -748.52635318 892.16290388 -749.10614014 888.32220459 C-749.67567033 884.56572255 -750.25826401 880.8112726 -750.83984375 877.05664062 C-751.54561778 872.49850646 -752.24574761 867.93971318 -752.92605591 863.37770081 C-753.98200704 856.30744294 -755.05735353 849.24586845 -756.28048325 842.20231247 C-761.07189104 814.56218982 -762.50477709 787.13189559 -763.3482666 759.11810303 C-763.49381595 754.45407137 -763.66075919 749.79091202 -763.82822132 745.12762356 C-764.32966474 731.15209969 -764.7464897 717.17578413 -765.08203125 703.1953125 C-765.10294704 702.35733753 -765.12386284 701.51936256 -765.14541245 700.65599442 C-765.57012189 683.31652907 -764.94611476 666.81530101 -761.64453125 649.7578125 C-761.28177958 647.77628719 -760.9213301 645.79433926 -760.56298828 643.81201172 C-759.81362925 639.6955853 -759.04756121 635.58280688 -758.26708984 631.47216797 C-757.0615338 625.11671678 -755.90830279 618.75232607 -754.7578125 612.38671875 C-745.44329035 561.12202235 -745.44329035 561.12202235 -738.4296875 541.25390625 C-736.56689231 535.82934496 -735.10565561 530.28487716 -733.58203125 524.7578125 C-730.93191114 515.17050915 -728.13658675 505.6624695 -725.08203125 496.1953125 C-723.93313061 492.63379095 -722.78750058 489.07124205 -721.64453125 485.5078125 C-721.1959375 484.11622925 -721.1959375 484.11622925 -720.73828125 482.6965332 C-718.95845519 477.123501 -717.33286419 471.53062068 -715.81103516 465.88208008 C-712.30686224 452.96733698 -707.04939552 442.22659522 -700.04931641 430.77929688 C-695.93764536 424.04218251 -692.04718572 417.17964629 -688.14453125 410.3203125 C-683.44087221 402.05928016 -678.71759531 393.81325546 -673.87255859 385.6340332 C-670.77952822 380.40375593 -667.73927777 375.14416077 -664.70874023 369.87744141 C-662.12844885 365.39384809 -659.54024537 360.9148439 -656.95166016 356.43603516 C-655.74761828 354.34900827 -654.54653566 352.2602699 -653.34912109 350.16943359 C-646.42287525 338.08157756 -639.10866298 326.57202114 -630.75 315.42382812 C-629.03533435 313.13292238 -627.33780682 310.83019102 -625.64453125 308.5234375 C-621.54556494 302.93998688 -617.42844369 297.37002277 -613.31152344 291.79980469 C-607.53555422 283.98263154 -601.76453483 276.16349603 -596.08764648 268.27392578 C-593.94800362 265.30040204 -591.80133521 262.33200707 -589.65234375 259.36523438 C-588.60849451 257.92280091 -587.56681276 256.47879633 -586.52734375 255.03320312 C-578.39209005 243.74915199 -569.78227017 234.06723797 -559.17578125 225.00390625 C-556.60149489 222.78022232 -554.09360876 220.48954196 -551.58203125 218.1953125 C-548.46296114 215.35007022 -545.33447734 212.5233167 -542.14453125 209.7578125 C-538.73514607 206.79647794 -535.40406749 203.75380945 -532.08203125 200.6953125 C-528.14915845 197.07443705 -524.17989183 193.50572386 -520.140625 190.00390625 C-517.59246475 187.7652 -515.08792532 185.48121038 -512.58203125 183.1953125 C-509.46296114 180.35007022 -506.33447734 177.5233167 -503.14453125 174.7578125 C-500.31793674 172.3061744 -497.55586045 169.7939933 -494.81298828 167.24902344 C-482.65491491 155.99482455 -469.64936449 146.59529979 -456.00830078 137.21337891 C-451.68318191 134.23061296 -447.38215866 131.21394211 -443.08203125 128.1953125 C-434.96124125 122.50320036 -426.82582138 116.83234082 -418.67700195 111.18041992 C-413.94314237 107.89445145 -409.22293881 104.59205913 -404.53125 101.24609375 C-403.644375 100.61638672 -402.7575 99.98667969 -401.84375 99.33789062 C-400.1924975 98.16397288 -398.54500261 96.98474108 -396.90234375 95.79882812 C-386.00502251 88.06976752 -373.6386281 83.35760036 -361.39453125 78.1953125 C-359.59658762 77.43462513 -357.79873724 76.67371732 -356.00097656 75.91259766 C-350.69678009 73.66846652 -345.38982046 71.43093059 -340.08203125 69.1953125 C-339.34700378 68.88557495 -338.61197632 68.5758374 -337.85467529 68.25671387 C-335.84598373 67.41034879 -333.83711466 66.56440725 -331.828125 65.71875 C-331.19796982 65.45344482 -330.56781464 65.18813965 -329.91856384 64.91479492 C-326.79864953 63.60264995 -323.67632313 62.29672396 -320.54956055 61.00097656 C-314.73102784 58.58670115 -308.93287434 56.1454423 -303.18687439 53.56240845 C-276.21338699 41.45572402 -248.2277613 33.33811535 -219.82879639 25.2633667 C-214.80019539 23.82991191 -209.77646676 22.37975903 -204.75248718 20.9302063 C-198.73983438 19.19731876 -192.72381193 17.47630429 -186.70703125 15.7578125 C-185.58410675 15.43635254 -184.46118225 15.11489258 -183.30422974 14.78369141 C-180.11984518 13.87454754 -176.93339798 12.97306615 -173.74609375 12.07421875 C-172.82458023 11.81044937 -171.90306671 11.54667999 -170.95362854 11.2749176 C-160.78024916 8.42644135 -150.78904479 6.92051061 -140.25390625 6.265625 C-139.13076019 6.19042633 -138.00761414 6.11522766 -136.85043335 6.03775024 C-133.17798546 5.79288689 -129.50504454 5.55652946 -125.83203125 5.3203125 C-120.61570693 4.97663118 -115.39965066 4.62896317 -110.18359375 4.28125 C-109.52006268 4.23731613 -108.8565316 4.19338226 -108.17289352 4.14811707 C-98.35472779 3.498007 -88.54181885 2.79402698 -78.73046875 2.046875 C-77.50058228 1.95395172 -76.2706958 1.86102844 -75.00354004 1.76528931 C-67.89519579 1.22804046 -67.89519579 1.22804046 -60.78796387 0.67633057 C-57.53489994 0.42074546 -54.28123355 0.17450189 -51.02734375 -0.0703125 C-49.65369156 -0.18250626 -49.65369156 -0.18250626 -48.25228882 -0.29696655 C-32.19176337 -1.47925298 -16.06191522 -0.80837174 0 0 Z " fill="#FEFEFE" transform="translate(2108.08203125,1356.8046875)"/>
<path d="M0 0 C7.44569681 3.51379452 14.45875544 7.5840021 21.46511841 11.90045166 C24.53807341 13.79349744 27.61892113 15.67362147 30.69921875 17.5546875 C31.31651352 17.93205048 31.93380829 18.30941345 32.56980896 18.69821167 C38.36474097 22.23520598 44.20864519 25.68653606 50.0625 29.125 C51.8374861 30.17666737 53.612239 31.22872848 55.38671875 32.28125 C58.08047434 33.87738853 60.78346606 35.44646454 63.51953125 36.96875 C68.24169659 39.70773509 71.51822045 42.3260977 74.68359375 46.8046875 C75.37743164 47.78614746 76.07126953 48.76760742 76.78613281 49.77880859 C80.35756011 54.97525894 83.86618858 60.21054533 87.3442688 65.46966553 C89.74674783 69.10108505 92.15865958 72.72623146 94.5703125 76.3515625 C95.08539871 77.12605743 95.60048492 77.90055237 96.13117981 78.69851685 C102.40123353 88.11786625 108.73129949 97.49669026 115.0625 106.875 C115.66414978 107.76639679 116.26579956 108.65779358 116.88568115 109.57620239 C119.97986856 114.16039175 123.07468336 118.74415701 126.16992188 123.32763672 C132.08676931 132.08979502 137.99957946 140.8546768 143.91183472 149.61993408 C145.76063544 152.36061544 147.60990199 155.10098201 149.45922852 157.84130859 C150.60435987 159.53871644 151.74946173 161.23614419 152.89453125 162.93359375 C153.43825378 163.73919235 153.98197632 164.54479095 154.54217529 165.37480164 C156.80960963 168.73717166 159.07332304 172.10141727 161.30737305 175.48608398 C164.4873525 180.30309657 167.72817078 185.03196218 171.16796875 189.66796875 C171.83248047 190.58126953 172.49699219 191.49457031 173.18164062 192.43554688 C174.53946519 194.29842401 175.92053718 196.1445394 177.32226562 197.97460938 C177.97259766 198.88404297 178.62292969 199.79347656 179.29296875 200.73046875 C179.8861792 201.52864014 180.47938965 202.32681152 181.09057617 203.14916992 C182.51813279 207.6242246 180.76728484 210.79715581 179 215 C178.67831345 215.78963638 178.35662689 216.57927277 178.02519226 217.39283752 C176.94632511 219.98725268 175.82931614 222.56250568 174.703125 225.13671875 C174.07142143 226.59393845 174.07142143 226.59393845 173.42695618 228.08059692 C172.51570818 230.18198574 171.60283688 232.28267122 170.68850708 234.38272095 C168.19402723 240.11345725 165.71292619 245.84998555 163.23046875 251.5859375 C162.7146373 252.77707657 162.19880585 253.96821564 161.66734314 255.19544983 C156.25013474 267.71366835 150.90116371 280.26062822 145.5625 292.8125 C144.61510582 295.03834464 143.66767734 297.26417468 142.72021484 299.48999023 C138.48300576 309.44686177 134.25083816 319.40586057 130.02659512 329.3682394 C127.65225996 334.96762208 125.27504946 340.56578051 122.89718628 346.16366577 C121.89363258 348.52808006 120.89126513 350.89299824 119.89016724 353.25845337 C118.49995453 356.54331723 117.10584063 359.82650072 115.7109375 363.109375 C115.30672073 364.0673851 114.90250397 365.0253952 114.48603821 366.01243591 C110.19910655 376.0788254 106.51980563 384.38987391 98.1875 391.6875 C97.51396484 392.29916016 96.84042969 392.91082031 96.14648438 393.54101562 C92.09816464 397.20193634 87.97118008 400.77401953 83.85961914 404.36352539 C81.24586673 406.66364124 78.68423416 409.014266 76.125 411.375 C71.59091303 415.54739342 67.03194963 419.68998731 62.4453125 423.8046875 C60.74942408 425.32719436 59.05694633 426.85350555 57.3671875 428.3828125 C55.66862614 429.91912322 53.9657401 431.45067107 52.2578125 432.9765625 C50.88517379 434.20671276 49.52275559 435.44856878 48.1796875 436.7109375 C46.625 438.125 46.625 438.125 44 440 C40.52369219 439.65366852 38.38846562 438.00580202 35.68359375 435.89453125 C34.84634766 435.24758301 34.00910156 434.60063477 33.14648438 433.93408203 C32.25251953 433.23395996 31.35855469 432.53383789 30.4375 431.8125 C28.54138611 430.34633421 26.64422867 428.88151711 24.74609375 427.41796875 C23.3072583 426.30687744 23.3072583 426.30687744 21.83935547 425.17333984 C17.60309283 421.93075945 13.30601378 418.77403024 9 415.625 C2.76597216 411.05583476 -3.39785129 406.41764767 -9.5078125 401.68359375 C-13.90931508 398.28646965 -18.36282153 394.95859992 -22.8125 391.625 C-23.67045166 390.98143555 -24.52840332 390.33787109 -25.41235352 389.67480469 C-29.3807977 386.70044021 -33.35449589 383.73408316 -37.34765625 380.79296875 C-54.00084543 368.49568847 -70.78038474 355.02288189 -84 339 C-84.804375 338.08347656 -85.60875 337.16695312 -86.4375 336.22265625 C-107.44873524 312.21416298 -122.8347114 284.22149848 -133.25244141 254.14501953 C-133.92214748 252.2233874 -134.62128906 250.31207308 -135.32421875 248.40234375 C-146.36518355 216.51913661 -128.64126002 171.78124046 -115.0625 143 C-105.39652541 123.12338378 -93.35214743 104.81251556 -79 88 C-78.08943556 86.91570724 -77.17930251 85.83105211 -76.26953125 84.74609375 C-69.78133772 77.05215858 -63.01456819 69.65953598 -56.1171875 62.33203125 C-53.25881528 59.29047334 -50.49206262 56.18318163 -47.76953125 53.01953125 C-45.39115503 50.3051372 -42.94487646 47.65430875 -40.5 45 C-36.8557523 41.0414766 -33.26086034 37.04822953 -29.734375 32.984375 C-26.20499286 28.94625309 -22.59365774 24.98085319 -19 21 C-17.49971321 19.33359149 -15.99971128 17.66692647 -14.5 16 C-13.7678125 15.18660156 -13.035625 14.37320312 -12.28125 13.53515625 C-10.67651564 11.75181276 -9.07240525 9.96790769 -7.46875 8.18359375 C-6.6540625 7.27738281 -5.839375 6.37117188 -5 5.4375 C-3.88625 4.19806641 -3.88625 4.19806641 -2.75 2.93359375 C-1.85059394 1.93983036 -0.94775971 0.94775971 0 0 Z " fill="#FEFEFE" transform="translate(513,2018)"/>
<path d="M0 0 C5.27085355 12.38139994 10.10555852 24.93526301 14.95898438 37.48461914 C15.66651377 39.31272194 16.37419424 41.14076628 17.08203125 42.96875 C17.59710739 44.29965919 17.59710739 44.29965919 18.12258911 45.65745544 C19.95554708 50.37531901 21.83997757 55.06184227 23.82421875 59.71875 C24.39402466 61.08978882 24.39402466 61.08978882 24.9753418 62.48852539 C25.61376773 64.01438924 26.27435723 65.53139864 26.96801758 67.03295898 C32.53225266 80.58562755 28.63352867 99.13964864 27.51953125 113.31362915 C27.04424436 119.37326795 26.59324586 125.43472655 26.140625 131.49609375 C26.04559692 132.76341843 25.95056885 134.0307431 25.85266113 135.33647156 C24.89571565 148.19935293 24.06128941 161.06931295 23.24542236 173.94180298 C22.83633754 180.39371457 22.42174446 186.84527288 22.0078125 193.296875 C21.88465164 195.21709221 21.88465164 195.21709221 21.75900269 197.17610168 C21.54912501 200.44745703 21.33908366 203.71880182 21.12898254 206.99014282 C20.99769115 209.03597743 20.866688 211.08183036 20.73571777 213.12768555 C20.21109249 221.31460567 19.67710515 229.5008312 19.13134766 237.68637085 C18.96167322 240.25194926 18.79496262 242.81772555 18.63134766 245.38369751 C18.40518196 248.92432725 18.16872139 252.46412531 17.9296875 256.00390625 C17.83299271 257.57274567 17.83299271 257.57274567 17.73434448 259.17327881 C17.63357101 260.6180661 17.63357101 260.6180661 17.53076172 262.09204102 C17.47620819 262.92429703 17.42165466 263.75655304 17.365448 264.61402893 C16.94815643 267.33848116 16.20430176 269.52217959 15 272 C12.53930664 273.79833984 12.53930664 273.79833984 9.41015625 275.4609375 C8.84303421 275.76803146 8.27591217 276.07512543 7.69160461 276.39152527 C5.82234558 277.39994278 3.94266245 278.38708442 2.0625 279.375 C0.7453751 280.08161146 -0.57085727 280.7898889 -1.88623047 281.49975586 C-4.59632007 282.96100488 -7.30982593 284.41559053 -10.02587891 285.86572266 C-15.93161229 289.02714354 -21.77647812 292.29666118 -27.625 295.5625 C-29.85656302 296.80375909 -32.08833415 298.04464412 -34.3203125 299.28515625 C-35.42149414 299.89762207 -36.52267578 300.51008789 -37.65722656 301.14111328 C-43.2704614 304.26258349 -48.8853163 307.3811369 -54.5 310.5 C-56.75000768 311.74998618 -59.00000768 312.99998618 -61.25 314.25 C-101.74999999 336.75 -101.74999999 336.75 -105.12988281 338.62768555 C-107.36363753 339.86867837 -109.59736185 341.1097259 -111.83105469 342.35083008 C-117.07845432 345.26635035 -122.32614986 348.18133383 -127.57495117 351.09432983 C-130.04024222 352.46256957 -132.50535712 353.83112648 -134.97045898 355.19970703 C-136.69953582 356.15948819 -138.42886569 357.11881346 -140.15820312 358.078125 C-141.21458984 358.66464844 -142.27097656 359.25117187 -143.359375 359.85546875 C-144.34615234 360.40122559 -145.33292969 360.94698242 -146.34960938 361.50927734 C-148.5599199 362.75247521 -150.72479557 364.04543914 -152.890625 365.36328125 C-158.07305668 368.09121953 -163.52704815 368.17815072 -169.30297852 368.57250977 C-170.00783386 368.62142365 -170.71268921 368.67033752 -171.43890381 368.72073364 C-173.75205109 368.88049603 -176.06545933 369.03604804 -178.37890625 369.19140625 C-179.99504489 369.30187109 -181.61116917 369.41254635 -183.22727966 369.52342224 C-186.60704591 369.75466934 -189.98693911 369.98392853 -193.36694336 370.21166992 C-197.69357118 370.5032749 -202.01990686 370.79897528 -206.34616184 371.09605503 C-209.68066958 371.32472572 -213.01529365 371.55166018 -216.34995842 371.77802849 C-217.94514853 371.88644124 -219.5403091 371.99528951 -221.13543892 372.10458565 C-223.36565377 372.25704808 -225.59600806 372.40727722 -227.82641602 372.55688477 C-229.09405289 372.64269302 -230.36168976 372.72850128 -231.66773987 372.81690979 C-234.45586344 372.97010255 -237.20899412 373.03767506 -240 373 C-242.35771391 364.20941162 -244.71417721 355.41848912 -247.06919193 346.62717724 C-248.16363588 342.5417431 -249.258456 338.45641067 -250.35424805 334.37133789 C-251.62407686 329.63720064 -252.89269348 324.90274001 -254.16015625 320.16796875 C-254.36790428 319.39198208 -254.57565231 318.61599541 -254.78969574 317.81649399 C-257.86199265 306.33352929 -260.883912 294.83885552 -263.83009338 283.32279968 C-265.15179267 278.17431961 -266.53376861 273.07173698 -268.125 268 C-273.19065834 250.74167484 -276.0938452 232.29917469 -276.23828125 214.31640625 C-276.25290405 212.80883003 -276.25290405 212.80883003 -276.26782227 211.27079773 C-276.42791974 190.50745566 -276.55509591 170.35757326 -272 150 C-271.63325204 148.19939422 -271.26736294 146.39861329 -270.90234375 144.59765625 C-268.88469904 135.09461061 -266.12762798 125.88169841 -263 116.6875 C-262.51998535 115.26401245 -262.51998535 115.26401245 -262.03027344 113.81176758 C-258.15268493 102.84320048 -252.32609901 95.82456655 -244.0625 87.6875 C-243.59568817 87.22467621 -243.12887634 86.76185242 -242.6479187 86.28500366 C-235.17317331 78.88504568 -227.52738762 72.13798505 -219 66 C-217.85335128 65.14823199 -216.70753275 64.29534537 -215.5625 63.44140625 C-207.36932634 57.39335442 -198.84832238 52.03266412 -190 47 C-189.36819824 46.63551758 -188.73639648 46.27103516 -188.08544922 45.89550781 C-149.0182215 23.53472529 -105.07098397 17.07737648 -61.35366821 9.75834656 C-48.09929217 7.53844477 -34.86845807 5.21642369 -21.65527344 2.76367188 C-6.41567876 -0.05954226 -6.41567876 -0.05954226 0 0 Z " fill="#FEFEFE" transform="translate(890,1069)"/>
<path d="M0 0 C22.12627003 -0.78628948 43.32955707 1.17084725 65.14068604 4.79425049 C67.24349484 5.14322727 69.34714469 5.48657785 71.45117188 5.828125 C77.8562624 6.86977074 84.25645694 7.93782038 90.65283203 9.03173828 C96.18541439 9.97422184 101.72414203 10.84129553 107.27783203 11.64892578 C116.98117879 13.0604529 126.6465527 14.69427509 136.31103516 16.34814453 C144.94697591 17.8113924 153.58997176 19.04347707 162.27783203 20.14892578 C163.07252189 27.97021938 163.53485563 35.7661039 163.81298828 43.62158203 C163.85596542 44.78410995 163.89894257 45.94663788 163.94322205 47.14439392 C164.03288356 49.59238395 164.1210411 52.04042948 164.20776367 54.48852539 C164.33910417 58.176944 164.47708149 61.86507211 164.61572266 65.55322266 C164.79233552 70.29174151 164.94214981 75.03000871 165.07226562 79.77001953 C165.17795617 83.57096227 165.34765214 87.34660855 165.64355469 91.13720703 C166.48498512 104.17747105 161.86431452 114.31979352 156.52783203 126.02392578 C155.64491429 128.02528507 154.76522417 130.02807118 153.88867188 132.03222656 C152.16005441 135.97315775 150.41543516 139.90623451 148.65380859 143.83251953 C145.65265218 150.52788658 142.77339338 157.27171265 139.90283203 164.02392578 C138.96188652 166.21422794 138.02048468 168.40433412 137.07861328 170.59423828 C133.76969895 178.31542634 130.52860692 186.06488375 127.28933716 193.81546021 C123.9415468 201.82444275 120.5722847 209.82373415 117.16845703 217.80908203 C116.81494675 218.63847794 116.46143646 219.46787384 116.09721375 220.32240295 C114.65143221 223.71386261 113.2054727 227.10524631 111.75918579 230.49649048 C105.88195759 244.28535284 100.12793179 258.1215657 94.47924805 272.00561523 C94.20129898 272.68635101 93.92334991 273.36708679 93.63697815 274.06845093 C92.89156602 275.89451004 92.14904506 277.7217486 91.40673828 279.54907227 C90.27783203 282.14892578 90.27783203 282.14892578 89.27783203 283.14892578 C86.40458458 283.64888289 83.53787966 284.10281635 80.65283203 284.52392578 C74.83194598 285.37481942 69.06690354 286.37076605 63.30126953 287.54345703 C54.40505776 289.34974905 45.47159355 290.91073353 36.52783203 292.46142578 C34.7785415 292.76630712 33.02927431 293.07132247 31.2800293 293.37646484 C22.6609515 294.87799076 14.03930547 296.36395948 5.41455078 297.83251953 C4.63159637 297.96600296 3.84864197 298.09948639 3.04196167 298.23701477 C-0.6344233 298.86356786 -4.31116304 299.48783414 -7.98876953 300.10717773 C-14.44000983 301.19956446 -20.86865555 302.35966013 -27.28076172 303.66455078 C-34.73351467 305.17904007 -42.21550073 306.43460483 -49.72216797 307.64892578 C-58.4960067 309.08450777 -67.22972757 310.59178372 -75.93701172 312.38720703 C-81.18950824 313.44421098 -86.45146501 314.4371367 -91.72216797 315.39892578 C-92.70306396 315.58656494 -93.68395996 315.7742041 -94.69458008 315.9675293 C-104.74600138 317.77078867 -113.07355804 315.43265595 -122.84716797 312.96142578 C-124.09618896 312.64753906 -125.34520996 312.33365234 -126.63208008 312.01025391 C-134.71028113 309.96186586 -142.73348141 307.77367682 -150.73120117 305.43286133 C-162.31979778 302.06136644 -174.03188786 299.14331419 -185.72216797 296.14892578 C-184.47224181 274.85359024 -183.1123416 253.56859142 -181.59985352 232.2902832 C-181.3883954 229.3123025 -181.18018833 226.33412199 -180.97485352 223.35571289 C-179.920764 208.07888697 -178.78894408 192.82395609 -177.17529297 177.59423828 C-177.05734879 176.47454147 -176.9394046 175.35484467 -176.81788635 174.20121765 C-175.76481762 164.67720113 -174.01433881 155.44495197 -171.72216797 146.14892578 C-171.50689453 145.24335937 -171.29162109 144.33779297 -171.06982422 143.40478516 C-162.33762704 106.82329247 -145.68340083 72.43536634 -121.60888672 43.44189453 C-120.39331456 41.96458426 -119.22409011 40.44725406 -118.11669922 38.88720703 C-107.34175908 24.75896745 -85.76785427 18.9456462 -69.72216797 13.14892578 C-69.02623535 12.89272461 -68.33030273 12.63652344 -67.61328125 12.37255859 C-46.13756876 4.58240364 -22.75397503 0.91039779 0 0 Z " fill="#FEFEFE" transform="translate(1124.72216796875,715.85107421875)"/>
<path d="M0 0 C2.48479807 1.66827588 4.01725162 3.63974643 5.85961914 5.99853516 C9.43986854 10.49740118 13.09907101 14.89935877 16.85961914 19.24853516 C21.1602437 24.23715173 25.36449836 29.29077767 29.51586914 34.40478516 C31.74674623 37.11158269 34.01327735 39.78132437 36.30273438 42.43847656 C37.3406582 43.64518305 38.37403871 44.8558123 39.40283203 46.0703125 C41.68593077 48.76143418 43.97248644 51.36327506 46.44946289 53.88134766 C53.67191911 61.5484476 55.19979122 69.74600518 57.29907227 79.74560547 C58.13369867 83.47234322 59.23377213 87.10124186 60.35961914 90.74853516 C62.47152548 97.71519032 64.25741508 104.73638727 65.98461914 111.80712891 C67.30612538 117.1674886 68.76153189 122.46442627 70.35961914 127.74853516 C72.18653441 133.79321395 73.7992946 139.86413275 75.29711914 145.99853516 C76.99818752 152.9643025 78.85523029 159.86395068 80.85961914 166.74853516 C82.86401017 173.63312712 84.72089479 180.53280207 86.42211914 187.49853516 C87.92565563 193.65094421 89.53750717 199.74513357 91.35961914 205.81103516 C93.84704782 214.10473838 96.11910937 222.43830668 98.22924805 230.8359375 C98.87518193 233.30809808 99.58773155 235.75438443 100.30883789 238.20556641 C103.5375291 249.72385855 103.5375291 249.72385855 101.79321289 253.64697266 C99.94410562 255.4753964 98.02220139 256.81079631 95.85961914 258.24853516 C94.73611538 259.44109589 93.65323842 260.67297514 92.60961914 261.93603516 C89.59245134 265.43567799 86.49079979 268.85108505 83.35961914 272.24853516 C79.73851987 276.18119896 76.17002562 280.1506802 72.66821289 284.18994141 C69.58182434 287.70295818 66.41333136 291.14153334 63.26196289 294.59619141 C61.2902007 296.77314511 59.34596577 298.9669219 57.42211914 301.18603516 C53.99193338 305.13520883 50.44958396 308.9787582 46.90673828 312.82641602 C44.35421461 315.60329885 41.82986168 318.39825531 39.35961914 321.24853516 C36.42117849 324.6390436 33.39845612 327.94820498 30.35961914 331.24853516 C26.71544974 335.20713239 23.12048135 339.20030347 19.59399414 343.26416016 C16.064612 347.30228206 12.45327688 351.26768197 8.85961914 355.24853516 C7.35933235 356.91494367 5.85933042 358.58160868 4.35961914 360.24853516 C-13.64038086 380.24853516 -13.64038086 380.24853516 -15.86694336 382.72119141 C-17.44677773 384.47746776 -19.02477053 386.23540173 -20.60131836 387.99462891 C-21.39795898 388.88279297 -22.19459961 389.77095703 -23.01538086 390.68603516 C-24.09432617 391.89066406 -24.09432617 391.89066406 -25.19506836 393.11962891 C-25.83702148 393.82216797 -26.47897461 394.52470703 -27.14038086 395.24853516 C-27.5721312 395.73949173 -28.00388153 396.2304483 -28.44871521 396.73628235 C-30.5404833 398.60620397 -32.56575259 399.48569634 -35.15234375 400.57348633 C-36.17513931 401.0079155 -37.19793488 401.44234467 -38.25172424 401.88993835 C-39.36095749 402.35245499 -40.47019073 402.81497162 -41.61303711 403.29150391 C-42.76468857 403.77879471 -43.91634003 404.26608551 -45.10289001 404.7681427 C-48.17630517 406.06733831 -51.25216918 407.36034652 -54.32952881 408.65014648 C-58.5936678 410.43899259 -62.85312257 412.23896856 -67.11312866 414.03762817 C-69.47697102 415.03552755 -71.84140716 416.0320216 -74.20645142 417.02706909 C-81.82303337 420.23934396 -89.39735226 423.53212669 -96.89894104 427.00541687 C-99.83250747 428.34242498 -101.87512103 429.24853516 -105.14038086 429.24853516 C-106.40112305 427.86035156 -106.40112305 427.86035156 -107.68725586 425.85009766 C-108.1905542 425.07802979 -108.69385254 424.30596191 -109.21240234 423.51049805 C-109.76613525 422.64030029 -110.31986816 421.77010254 -110.89038086 420.87353516 C-112.14516842 418.9466309 -113.40181557 417.02093683 -114.65991211 415.09619141 C-115.36325684 414.01611816 -116.06660156 412.93604492 -116.79125977 411.82324219 C-120.81531515 405.67578035 -124.95451727 399.604842 -129.07772827 393.52368164 C-130.58058071 391.30705302 -132.0819642 389.08943585 -133.58300781 386.87158203 C-139.23162022 378.52769999 -144.89647127 370.19512489 -150.57788086 361.87353516 C-152.29132826 359.36127086 -154.00443596 356.84877609 -155.71704102 354.3359375 C-156.93352223 352.55190416 -158.15198354 350.76922125 -159.37084961 348.98681641 C-161.32749797 346.0942043 -163.24379097 343.18092743 -165.14038086 340.24853516 C-165.8391333 339.17031494 -165.8391333 339.17031494 -166.55200195 338.0703125 C-179.19234256 318.4508358 -189.45198149 298.30027202 -197.14038086 276.24853516 C-197.47110596 275.31122559 -197.80183105 274.37391602 -198.14257812 273.40820312 C-206.87491096 248.05439784 -210.3322019 221.40161612 -210.51538086 194.68603516 C-210.52939941 193.38375977 -210.54341797 192.08148437 -210.55786133 190.73974609 C-210.52179337 183.64638062 -210.0032064 177.75543627 -207.14038086 171.24853516 C-206.81360352 170.47340576 -206.48682617 169.69827637 -206.15014648 168.8996582 C-198.36287885 150.99926397 -188.28181716 134.51966528 -176.14038086 119.24853516 C-175.42495117 118.34103516 -174.70952148 117.43353516 -173.97241211 116.49853516 C-163.17121748 103.04005548 -151.38776305 90.2242175 -137.79663086 79.54980469 C-136.62661169 78.63055319 -135.46028927 77.70658717 -134.29663086 76.77929688 C-117.9573581 63.78325329 -100.62784549 53.33821157 -82.23022461 43.52197266 C-76.41904406 40.41591739 -70.67864724 37.19629726 -64.95288086 33.93603516 C-54.97394637 28.26372579 -44.9493307 22.67729379 -34.8840332 17.15991211 C-33.66738285 16.49286817 -32.45074862 15.8257948 -31.23413086 15.15869141 C-30.63807037 14.83197952 -30.04200989 14.50526764 -29.42788696 14.1686554 C-25.44598129 11.98082689 -21.49174613 9.74838347 -17.54663086 7.49462891 C-16.02791382 6.63720093 -16.02791382 6.63720093 -14.47851562 5.76245117 C-12.59153142 4.69626777 -10.71134959 3.61792339 -8.83935547 2.52563477 C-8.00927979 2.06036377 -7.1792041 1.59509277 -6.32397461 1.11572266 C-5.60781982 0.70435059 -4.89166504 0.29297852 -4.15380859 -0.13085938 C-2.14038086 -0.75146484 -2.14038086 -0.75146484 0 0 Z " fill="#FEFEFE" transform="translate(623.140380859375,1512.75146484375)"/>
<path d="M0 0 C0.69715118 0.00093658 1.39430237 0.00187317 2.11257935 0.00283813 C13.97937847 0.03716603 25.6854379 0.43790149 37.4375 2.1875 C38.81156006 2.38956055 38.81156006 2.38956055 40.21337891 2.59570312 C80.40765501 8.84919885 116.11944376 27.013048 151.50915527 46.14654541 C155.67554315 48.39563528 159.85143724 50.62698792 164.02587891 52.86108398 C166.28672297 54.07142994 168.54682409 55.28316475 170.80615234 56.49633789 C177.24454786 59.95228878 183.69432308 63.38518051 190.15625 66.796875 C191.63283086 67.57743923 193.10939347 68.35803798 194.5859375 69.13867188 C197.43293918 70.64372414 200.28223593 72.14431023 203.1328125 73.64257812 C204.43238251 74.32925518 205.73186608 75.01609586 207.03125 75.703125 C208.74344727 76.60466309 208.74344727 76.60466309 210.49023438 77.52441406 C212.98759291 78.93362599 215.20478398 80.39778319 217.4375 82.1875 C215.77170706 92.15159886 212.64285657 101.63200464 209.625 111.25 C208.83565864 113.77934224 208.04779071 116.3091368 207.26077271 118.83920288 C206.74192153 120.50716057 206.22213056 122.17482622 205.7013855 123.8421936 C204.44557836 127.87700705 203.21550171 131.91663819 202.04150391 135.97607422 C201.71077629 137.11948524 201.71077629 137.11948524 201.37336731 138.28599548 C200.96602885 139.70353254 200.56258959 141.12219927 200.16410828 142.54225159 C198.05452843 149.89878402 195.60216442 155.59212356 190.1875 161.125 C189.19332882 162.17383351 188.19983819 163.22331253 187.20703125 164.2734375 C186.72830566 164.77456055 186.24958008 165.27568359 185.75634766 165.79199219 C184.0777504 167.56816063 182.47064812 169.39920051 180.875 171.25 C177.26806339 175.4105192 173.55058293 179.4672933 169.83984375 183.53515625 C167.86808156 185.71210996 165.92384663 187.90588674 164 190.125 C160.57049081 194.07339474 157.02873177 197.91607458 153.48681641 201.76318359 C150.35218711 205.17366889 147.28016155 208.62917816 144.24609375 212.12890625 C141.1597052 215.64192302 137.99121222 219.08049818 134.83984375 222.53515625 C132.86808156 224.71210996 130.92384663 226.90588674 129 229.125 C125.57049081 233.07339474 122.02873177 236.91607458 118.48681641 240.76318359 C115.35218711 244.17366889 112.28016155 247.62917816 109.24609375 251.12890625 C106.1597052 254.64192302 102.99121222 258.08049818 99.83984375 261.53515625 C97.86808156 263.71210996 95.92384663 265.90588674 94 268.125 C90.57049081 272.07339474 87.02873177 275.91607458 83.48681641 279.76318359 C80.35963349 283.16556721 77.29306126 286.61112142 74.26953125 290.10546875 C71.06539025 293.74684861 67.7642953 297.30133833 64.4765625 300.8671875 C62.42172672 303.00696882 62.42172672 303.00696882 61.4375 305.1875 C53.390257 304.55925176 45.45248385 303.52534556 37.4765625 302.296875 C36.25133881 302.11038391 35.02611511 301.92389282 33.76376343 301.73175049 C31.17331728 301.33661335 28.58312104 300.93983477 25.99316406 300.54150391 C22.13674548 299.9489089 18.27939788 299.36270157 14.421875 298.77734375 C0.40498693 296.63856722 -13.58358172 294.37923019 -27.54550171 291.90509033 C-35.65489909 290.47661752 -43.78126885 289.2540057 -51.9375 288.125 C-60.34339881 286.95668971 -68.70967093 285.69057038 -77.0625 284.1875 C-87.99640036 282.22090846 -98.97414115 280.64762367 -109.9765625 279.1171875 C-111.0608252 278.96241943 -112.14508789 278.80765137 -113.26220703 278.64819336 C-115.52099704 278.33288512 -117.78267383 278.0377786 -120.04638672 277.76000977 C-126.46365166 276.91356071 -131.07249706 276.01506923 -136.4375 272.375 C-137.06640137 271.95758545 -137.69530273 271.5401709 -138.34326172 271.11010742 C-139.84616727 270.10605684 -141.34114144 269.09008095 -142.83007812 268.06542969 C-146.10546765 265.81433103 -149.40397055 263.59886195 -152.703125 261.3828125 C-158.73991678 257.32204965 -164.75648549 253.23235899 -170.76574707 249.1309967 C-174.96993049 246.26432193 -179.1897914 243.42298929 -183.421875 240.59765625 C-184.95884033 239.56644653 -184.95884033 239.56644653 -186.52685547 238.5144043 C-188.42288793 237.24290794 -190.3227803 235.97714268 -192.22705078 234.71801758 C-193.47204346 233.87920044 -193.47204346 233.87920044 -194.7421875 233.0234375 C-195.46132324 232.54438965 -196.18045898 232.0653418 -196.92138672 231.57177734 C-198.5625 230.1875 -198.5625 230.1875 -199.5625 227.1875 C-198.57721365 224.40007727 -197.5169069 221.75842044 -196.328125 219.05859375 C-195.9793631 218.24585999 -195.6306012 217.43312622 -195.27127075 216.59576416 C-194.12716183 213.93494441 -192.96983425 211.28009061 -191.8125 208.625 C-191.01805803 206.78338356 -190.22460572 204.94133989 -189.43212891 203.09887695 C-187.85955429 199.44499626 -186.28268223 195.79302269 -184.70214844 192.14257812 C-182.07547568 186.06942285 -179.50248635 179.97445567 -176.9375 173.875 C-175.14888351 169.64453918 -173.35588158 165.41594268 -171.5625 161.1875 C-171.13710937 160.18366272 -171.13710937 160.18366272 -170.703125 159.1595459 C-166.03622423 148.14857688 -161.33482868 137.15322805 -156.5625 126.1875 C-156.12695801 125.18509277 -155.69141602 124.18268555 -155.24267578 123.14990234 C-147.28024256 105.02136036 -137.05543158 87.57427449 -124.5625 72.1875 C-123.82644531 71.26195312 -123.09039063 70.33640625 -122.33203125 69.3828125 C-109.9610273 54.00955114 -96.32091198 39.14585896 -80.5625 27.1875 C-79.99563477 26.7548584 -79.42876953 26.3222168 -78.84472656 25.87646484 C-70.3737382 19.43878389 -61.7279745 13.60066615 -52.5625 8.1875 C-51.79808594 7.6821875 -51.03367187 7.176875 -50.24609375 6.65625 C-43.80210921 2.57387306 -37.04660114 1.81191556 -29.5625 1.1875 C-28.56275146 1.10137451 -27.56300293 1.01524902 -26.53295898 0.92651367 C-17.68449823 0.22431443 -8.87417159 -0.0155914 0 0 Z " fill="#FEFEFE" transform="translate(1552.5625,469.8125)"/>
<path d="M0 0 C1.08498395 0.8468478 2.16839759 1.69571251 3.25 2.546875 C4.7040625 3.68382812 4.7040625 3.68382812 6.1875 4.84375 C16.21144864 12.87429976 25.46718614 21.68321826 34.5625 30.734375 C35.54899536 31.71386108 35.54899536 31.71386108 36.55541992 32.71313477 C40.35756681 36.52776817 43.96400538 40.45524516 47.48364258 44.53100586 C50.54085162 48.02006945 53.74481834 51.36968649 56.9375 54.734375 C61.75738603 59.83389986 66.56381465 64.94343773 71.3125 70.109375 C76.3914317 75.63274578 81.51965198 81.10855756 86.6574707 86.57714844 C91.29448915 91.51675047 95.90133456 96.48309527 100.48242188 101.47460938 C103.17781614 104.42073202 103.17781614 104.42073202 106.140625 107.08984375 C107.25 108.546875 107.25 108.546875 107.20703125 110.875 C105.98984301 114.27319085 104.21467285 116.49308324 101.9375 119.296875 C97.93005237 124.33038058 94.12245393 129.46016689 90.4375 134.734375 C80.85902692 148.40267215 80.85902692 148.40267215 76.07104492 154.88110352 C73.47228765 158.40213569 70.99568997 161.89911178 68.78125 165.67578125 C60.60537944 178.9848116 47.54149231 184.76282502 34.07177734 191.58544922 C28.12253454 194.61391205 22.3201339 197.90359049 16.5 201.171875 C14.26602168 202.41477576 12.03164944 203.65696876 9.796875 204.8984375 C2.40975872 209.01186726 -4.96618983 213.14514001 -12.34130859 217.2800293 C-23.32507518 223.43539637 -34.33343419 229.54628719 -45.34277344 235.65576172 C-52.08999431 239.40067236 -58.8350835 243.14942103 -65.58056641 246.89746094 C-70.82814305 249.81303691 -76.07599091 252.72812061 -81.32495117 255.64120483 C-83.79024222 257.00944457 -86.25535712 258.37800148 -88.72045898 259.74658203 C-90.44953582 260.70636319 -92.17886569 261.66568846 -93.90820312 262.625 C-94.96458984 263.21152344 -96.02097656 263.79804687 -97.109375 264.40234375 C-98.09615234 264.94552246 -99.08292969 265.48870117 -100.09960938 266.04833984 C-101.70713481 266.95723733 -103.29808892 267.89763664 -104.85351562 268.89306641 C-107.7117434 270.719677 -109.41604078 271.55318405 -112.8515625 271.48828125 C-115.95262061 270.48106426 -118.36580133 269.21974494 -121.125 267.484375 C-125.76852096 264.67427376 -130.44594542 262.12378239 -135.3125 259.734375 C-149.7813858 252.59827774 -163.96011763 244.90801855 -178.1685791 237.27023315 C-187.80610911 232.09127995 -197.48922786 227.00704727 -207.22900391 222.0222168 C-213.2749883 218.90853999 -219.15524069 215.58505958 -225.01318359 212.13134766 C-228.38793917 210.1775418 -231.80550358 208.43975306 -235.3125 206.734375 C-242.88352612 203.00683163 -250.37451864 199.14624583 -257.80859375 195.15234375 C-261.1361702 193.37077989 -264.49556181 191.70562098 -267.91015625 190.09765625 C-280.2019341 184.13058216 -287.42312733 177.22500311 -295.07910156 165.97900391 C-297.36819172 162.64704655 -299.77921547 159.41179848 -302.19116211 156.16821289 C-303.9706805 153.77382514 -305.73472603 151.368697 -307.49609375 148.9609375 C-310.30278152 145.13833207 -313.16103325 141.36037288 -316.0625 137.609375 C-316.83851562 136.60132813 -317.61453125 135.59328125 -318.4140625 134.5546875 C-320.06198987 132.43277433 -321.72255714 130.32600357 -323.3984375 128.2265625 C-324.24504019 127.14602801 -325.09140311 126.0653056 -325.9375 124.984375 C-326.69417969 124.03433594 -327.45085937 123.08429688 -328.23046875 122.10546875 C-329.75 119.546875 -329.75 119.546875 -329.51342773 117.58520508 C-328.66567745 115.32173623 -327.72398678 114.11115823 -326.0546875 112.375 C-325.23363525 111.5085083 -325.23363525 111.5085083 -324.39599609 110.62451172 C-323.81156738 110.0213916 -323.22713867 109.41827148 -322.625 108.796875 C-321.42626927 107.53462677 -320.22834477 106.27161236 -319.03125 105.0078125 C-318.45761719 104.40549805 -317.88398437 103.80318359 -317.29296875 103.18261719 C-315.52045928 101.30353279 -313.81011561 99.37958284 -312.125 97.421875 C-309.23255051 94.06893604 -306.24960907 90.80373698 -303.25 87.546875 C-300.21107665 84.2466267 -297.18843844 80.9373809 -294.25 77.546875 C-290.8411994 73.61364353 -287.31616377 69.78997068 -283.7902832 65.9621582 C-281.29888198 63.25251961 -278.83846661 60.52435899 -276.4375 57.734375 C-272.46536487 53.15260762 -268.30100706 48.75095791 -264.15405273 44.328125 C-260.86226976 40.81595883 -257.59041062 37.28855305 -254.35449219 33.72485352 C-245.71878639 24.22215274 -236.88979572 15.44335309 -226.75 7.546875 C-226.17008301 7.09054687 -225.59016602 6.63421875 -224.99267578 6.1640625 C-214.72142418 -1.88717795 -204.03869627 -8.91397318 -192.75 -15.453125 C-192.14961914 -15.80826172 -191.54923828 -16.16339844 -190.93066406 -16.52929688 C-124.27590563 -55.72000298 -60.32011489 -46.23697322 0 0 Z " fill="#FEFEFE" transform="translate(2177.75,422.453125)"/>
<path d="M0 0 C9.20794112 1.43901701 18.3194539 3.25380102 27.43359375 5.1875 C28.88418103 5.49382855 30.33478873 5.80006041 31.78541565 6.10620117 C34.80027988 6.74315756 37.81470473 7.38214637 40.82885742 8.02246094 C44.68324442 8.84096682 48.53897875 9.65292659 52.39509487 10.46324158 C55.38035226 11.09154803 58.36472565 11.72397467 61.3488636 12.35757446 C62.77067027 12.65880727 64.19278037 12.95861179 65.61520195 13.25692749 C67.59911101 13.67350033 69.58169157 14.09638493 71.56420898 14.51953125 C72.68939438 14.75776611 73.81457977 14.99600098 74.97386169 15.24145508 C79.83664647 16.46038175 83.46753163 18.12887553 87.4140625 21.203125 C88.66449341 22.16822998 88.66449341 22.16822998 89.94018555 23.15283203 C90.82617432 23.84489746 91.71216309 24.53696289 92.625 25.25 C94.51850919 26.71226194 96.41306165 28.17317382 98.30859375 29.6328125 C99.26233887 30.36790039 100.21608398 31.10298828 101.19873047 31.86035156 C105.31896612 35.00744458 109.49972597 38.06870257 113.6875 41.125 C120.63690088 46.20922489 127.45696941 51.43576657 134.23120117 56.75048828 C139.58264061 60.93471251 145.01569125 64.99189181 150.5 69 C156.74880318 73.56682516 162.91074606 78.22249313 169 83 C175.98715905 88.4815112 183.08619584 93.78833481 190.25048828 99.03564453 C195.6961282 103.02761826 201.07243596 107.09103147 206.41015625 111.2265625 C211.18996942 114.9284231 216.0031937 118.58659941 220.8125 122.25 C221.69663574 122.92401855 222.58077148 123.59803711 223.49169922 124.29248047 C224.34650879 124.94361816 225.20131836 125.59475586 226.08203125 126.265625 C226.90654785 126.90822266 227.73106445 127.55082031 228.58056641 128.21289062 C230.94004271 130.02537913 230.94004271 130.02537913 233.41552734 131.39648438 C235.72823091 132.78949554 237.2794749 133.91680529 239 136 C239.35358524 138.49719429 239.35358524 138.49719429 239.25489807 141.40994263 C239.22417269 142.4824036 239.1934473 143.55486458 239.16179085 144.65982437 C239.10839987 145.76208233 239.05500889 146.86434029 239 148 C238.93221753 149.51823175 238.93221753 149.51823175 238.86306572 151.06713486 C238.69770442 154.28249541 238.49607575 157.49387323 238.28491211 160.70654297 C238.17010498 162.51886414 238.17010498 162.51886414 238.05297852 164.36779785 C237.79999857 168.32630456 237.5403989 172.28434053 237.27734375 176.2421875 C237.20976014 177.25938362 237.20976014 177.25938362 237.1408112 178.29712915 C236.71366762 184.71356799 236.28225594 191.12971096 235.84232235 197.54528618 C235.28420608 205.6896575 234.74599119 213.83481361 234.23437494 221.98224151 C233.87064962 227.74721175 233.48362442 233.51034622 233.07991606 239.27265275 C232.84054637 242.69831238 232.61100451 246.12392084 232.4068737 249.55187607 C230.76863801 276.39687262 230.76863801 276.39687262 223 288 C221.89434166 289.93089991 220.79670417 291.86643887 219.7109375 293.80859375 C218.60296844 295.68726662 217.49089193 297.56352231 216.375 299.4375 C211.67144999 307.41592815 207.03467772 315.42436553 202.5 323.5 C198.04878885 331.41665644 193.52530719 339.28670938 188.9375 347.125 C179.68614874 362.93782028 170.48259917 378.75831748 162 395 C154.14061498 393.66775338 146.73395259 391.44506621 139.1796875 388.9296875 C137.96338654 388.52976593 136.74708557 388.12984436 135.493927 387.71780396 C132.26946117 386.65745434 129.04734577 385.59013389 125.82568359 384.52130127 C122.63132555 383.46294528 119.43469685 382.41149672 116.23828125 381.359375 C110.00837336 379.30698884 103.78213361 377.24371335 97.55682373 375.1774292 C94.12409778 374.04108057 90.68871582 372.91316362 87.25244141 371.78759766 C76.89686001 368.38566202 66.63647765 364.95548031 56.625 360.625 C55.54541016 360.16150146 54.46582031 359.69800293 53.35351562 359.22045898 C29.22600701 348.67274757 6.65131299 333.93128575 -12.7265625 316.08984375 C-14.84630212 314.14128585 -17.00483469 312.25242667 -19.1875 310.375 C-26.62182332 303.86253278 -32.84183361 296.7269398 -39 289 C-39.94759194 287.83176778 -40.89552072 286.66380872 -41.84375 285.49609375 C-55.43278341 268.65736025 -59.22759133 252.1884741 -62 231 C-62.14356934 229.93894043 -62.14356934 229.93894043 -62.29003906 228.85644531 C-69.29832652 169.60456041 -50.48200663 117.04055112 -27.23291016 63.67480469 C-21.2832715 50.01688507 -15.48628538 36.30310628 -9.80737305 22.53051758 C-6.67857837 14.95304625 -3.45081096 7.43782959 0 0 Z " fill="#FEFEFE" transform="translate(575,2532)"/>
<path d="M0 0 C0.62213379 0.3913916 1.24426758 0.7827832 1.88525391 1.18603516 C25.5699474 16.12858331 47.87790728 34.76506015 65 57 C65.89550534 58.12005398 66.79135885 59.23982965 67.6875 60.359375 C87.53466877 85.55323754 100.71986897 114.72282727 113.26611328 144.01611328 C116.5771808 151.74575489 119.97472579 159.42762354 123.5 167.0625 C123.93231934 168.00287109 124.36463867 168.94324219 124.81005859 169.91210938 C126.78348334 174.20222615 128.76148419 178.49008887 130.75585938 182.77050781 C132.29940747 186.08542145 133.8287043 189.40663525 135.3503418 192.73165894 C135.94514401 194.02474845 136.54484157 195.31559855 137.1496582 196.60403442 C137.99247925 198.4007858 138.81694157 200.20611403 139.640625 202.01171875 C140.36040527 203.56572388 140.36040527 203.56572388 141.09472656 205.15112305 C142.1108863 208.34895691 142.18449496 209.87477343 141 213 C139.42797852 214.5546875 139.42797852 214.5546875 137.37890625 215.875 C136.61771484 216.37837891 135.85652344 216.88175781 135.07226562 217.40039062 C134.24404297 217.92826172 133.41582031 218.45613281 132.5625 219 C130.81233467 220.15402763 129.06367096 221.31033535 127.31640625 222.46875 C126.4258252 223.05527344 125.53524414 223.64179687 124.61767578 224.24609375 C120.66772111 226.89265916 116.83430462 229.68965814 113 232.5 C104.46793955 238.72026935 95.79630333 244.73093076 87.01147461 250.58911133 C85.02100992 251.93242618 85.02100992 251.93242618 83.41235352 253.38549805 C77.66079016 258.27555373 70.54765903 258.70450436 63.3125 259.8125 C61.04698563 260.18149234 58.78264727 260.55725174 56.51821899 260.93284607 C54.90625987 261.19952253 53.29392332 261.46392619 51.6812439 261.72621155 C42.62582778 263.20312374 33.60737755 264.87442423 24.58511353 266.53991699 C10.11510508 269.20710491 -4.36385752 271.76788743 -18.88623047 274.13476562 C-29.90068271 275.94602437 -40.87097057 277.97751433 -51.84384155 280.02264404 C-62.55216166 282.0178935 -73.26602991 283.91853657 -84.0222168 285.64160156 C-91.084344 286.79197044 -98.06870589 288.21352064 -105.0300293 289.86987305 C-112.43127765 291.55337591 -112.43127765 291.55337591 -116 290 C-118.52990537 287.81596312 -120.71931386 285.37017088 -122.9375 282.875 C-124.27984803 281.40355471 -125.62229824 279.93220262 -126.96484375 278.4609375 C-127.64015137 277.71295898 -128.31545898 276.96498047 -129.01123047 276.19433594 C-131.97103487 272.92859546 -134.98562337 269.71527772 -138 266.5 C-139.15651059 265.26065979 -140.3127587 264.02107459 -141.46875 262.78125 C-145.13954097 258.84825967 -148.81923336 254.92365265 -152.5 251 C-160.2582758 242.72924359 -167.99525696 234.43873914 -175.72949219 226.14550781 C-182.94048676 218.41392254 -190.16093036 210.69138355 -197.39428711 202.98071289 C-202.17929095 197.87873118 -206.95381166 192.76707043 -211.72387695 187.65112305 C-214.75214317 184.40444968 -217.78470891 181.16193363 -220.82421875 177.92578125 C-221.46939453 177.23871094 -222.11457031 176.55164063 -222.77929688 175.84375 C-223.9896047 174.55539776 -225.20047474 173.26757327 -226.41210938 171.98046875 C-227.60600323 170.70950587 -228.78506378 169.42450638 -229.9519043 168.12866211 C-231.99850458 165.91725564 -231.99850458 165.91725564 -234.54223633 163.92016602 C-245.61844166 153.96261154 -248.55165809 139.22697934 -252.67681885 125.42608643 C-253.72939781 121.92634981 -254.81547284 118.43708605 -255.90039062 114.94726562 C-257.15358086 110.9119588 -258.40465714 106.87616063 -259.63723755 102.83450317 C-262.01789218 95.05239872 -264.50817321 87.33627458 -267.36018372 79.71321106 C-268.37906184 76.96374617 -269 74.96687606 -269 72 C-268.31188232 71.63350342 -267.62376465 71.26700684 -266.91479492 70.8894043 C-254.6433553 64.34375163 -242.3912706 57.78915367 -230.4050293 50.72924805 C-219.73731478 44.45082109 -208.76402409 38.71377041 -197.84307861 32.89172363 C-191.59798495 29.56200949 -185.36056069 26.22557822 -179.19921875 22.7421875 C-133.49434348 -3.03675494 -49.351394 -31.92539406 0 0 Z " fill="#FEFEFE" transform="translate(2636,475)"/>
<path d="M0 0 C0.76351776 -0.00100708 1.52703552 -0.00201416 2.31369019 -0.00305176 C39.43394798 0.02983526 91.55114419 7.89142047 121.4375 32.0703125 C123.20608819 34.03446573 124.67036084 36.08466051 126.1875 38.25 C127.10787383 39.3945099 128.0371684 40.53187286 128.97265625 41.6640625 C135.20792656 49.22475633 140.97171885 56.9410153 146.1875 65.25 C146.86941406 66.30574219 147.55132813 67.36148438 148.25390625 68.44921875 C172.68458368 107.04781108 182.76566333 149.6636329 186.75 194.625 C186.9608073 196.92801281 187.17199458 199.23099087 187.38354492 201.53393555 C189.25113393 222.08601978 190.8063445 242.65994716 192.1875 263.25 C191.29522705 263.51401611 190.4029541 263.77803223 189.48364258 264.05004883 C162.61009499 272.01324273 135.84127491 280.30035211 109.09211731 288.66955566 C105.438179 289.81107332 101.78266675 290.94743466 98.12695312 292.08325195 C93.58629914 293.49509278 89.0550902 294.93262612 84.52929688 296.39135742 C82.47661205 297.04231122 80.42388033 297.69311716 78.37109375 298.34375 C77.0005912 298.79552361 77.0005912 298.79552361 75.60240173 299.25642395 C67.85914 301.68549813 61.4618942 301.4106226 53.55517578 299.73095703 C49.86440102 298.98123273 46.1440156 298.43957946 42.42236328 297.86669922 C39.20167778 297.36751032 35.9855736 296.84462881 32.76953125 296.31640625 C26.33279301 295.26537408 19.8862392 294.28661791 13.4375 293.3125 C4.20651446 291.91182156 -4.9922277 290.36777226 -14.1875 288.75 C-22.77506525 287.23969949 -31.36405489 285.83705004 -40.00048828 284.63427734 C-42.39295418 284.29811381 -44.7833951 283.9471657 -47.17138672 283.58056641 C-52.05394838 282.83892032 -56.75444561 282.15806253 -61.69921875 282.25 C-66.08327275 282.21937037 -69.01960041 281.66976259 -72.8125 279.25 C-77.24410721 273.27484618 -79.78158763 266.1536678 -82.44464111 259.26565552 C-85.21474249 252.10628083 -88.38287201 245.13731007 -91.54187012 238.14306641 C-93.27482958 234.29204537 -94.98022704 230.42886617 -96.6875 226.56640625 C-100.3126411 218.37501642 -103.94855043 210.18845298 -107.58828735 202.00354004 C-108.90217282 199.04856334 -110.21539407 196.09329164 -111.52864075 193.13803101 C-114.0919413 187.36978536 -116.65584288 181.60180782 -119.22119141 175.83447266 C-119.63337921 174.90773743 -120.04556702 173.9810022 -120.47024536 173.02618408 C-121.31818873 171.12010225 -122.1663959 169.21413775 -123.01486206 167.30828857 C-125.15600517 162.49734516 -127.29170461 157.68412446 -129.41601562 152.86572266 C-132.96422549 144.82788321 -136.51642271 136.80040005 -140.30345154 128.87158203 C-141.74312756 125.85350735 -143.15631456 122.82337496 -144.56784058 119.79205322 C-145.21349025 118.42595336 -145.8723982 117.06601231 -146.54666138 115.71380615 C-151.70240923 105.36784932 -152.46111435 96.78529305 -151.93469238 85.31790161 C-151.74668114 80.59747644 -151.70498726 75.87646251 -151.64520264 71.15293884 C-151.59355023 67.15641807 -151.52827349 63.16026912 -151.45703125 59.1640625 C-151.44522198 58.49628249 -151.4334127 57.82850248 -151.42124557 57.14048672 C-151.39719558 55.78131964 -151.37309281 54.4221535 -151.34893799 53.06298828 C-151.28734596 49.57586821 -151.22775451 46.08871392 -151.16796875 42.6015625 C-151.05137991 35.81767461 -150.93266345 29.0338255 -150.8125 22.25 C-139.831382 20.12969981 -128.85750331 18.01431347 -117.8125 16.25 C-110.32870031 15.03111648 -102.87731527 13.71294927 -95.4375 12.25 C-86.35137264 10.46756651 -77.22639634 9.05285481 -68.06982422 7.68408203 C-61.0306754 6.62194637 -54.08598871 5.36005887 -47.1171875 3.90625 C-31.53399228 0.81171478 -15.84697475 0.01465098 0 0 Z " fill="#FEFEFE" transform="translate(3003.8125,702.75)"/>
<path d="M0 0 C0.68748825 0.2346698 1.3749765 0.4693396 2.08329773 0.71112061 C4.25217239 1.45465045 6.41311018 2.21860301 8.57421875 2.984375 C10.71752502 3.72816414 12.86229952 4.46760534 15.00715637 5.20690918 C16.4208828 5.69460125 17.83404038 6.18394537 19.24662781 6.67492676 C24.39890016 8.4603501 29.58540018 10.09584098 34.80493164 11.67480469 C42.17440817 13.93368795 49.4950604 16.34856735 56.82421875 18.734375 C57.69907928 19.01882477 58.57393982 19.30327454 59.47531128 19.59634399 C72.14466026 23.71689572 84.79359147 27.89500304 97.42645264 32.12594604 C115.16993045 38.06619349 132.95817483 43.86964114 150.74438477 49.68041992 C152.48097855 50.24782394 152.48097855 50.24782394 154.25265503 50.82669067 C156.42688873 51.53694679 158.6012188 52.24690802 160.77566528 52.95651245 C162.71328569 53.58926665 164.64861729 54.22909001 166.58114624 54.87722778 C168.33024084 55.43652307 170.09699113 55.94402853 171.87808228 56.39108276 C177.80056245 57.96418214 177.80056245 57.96418214 180.2097168 61.98779297 C180.73045776 63.84235107 180.73045776 63.84235107 181.26171875 65.734375 C181.58503174 66.85602051 181.90834473 67.97766602 182.24145508 69.13330078 C182.66334106 70.88876221 182.66334106 70.88876221 183.09375 72.6796875 C183.25075882 73.32300018 183.40776764 73.96631287 183.5695343 74.62911987 C183.90337168 75.99776366 184.2347373 77.36701242 184.56378174 78.73681641 C185.4317996 82.34630931 186.3203163 85.95071478 187.2109375 89.5546875 C187.38681396 90.26691467 187.56269043 90.97914185 187.74389648 91.71295166 C189.16402794 97.42512062 190.72501234 103.08758334 192.38671875 108.734375 C194.82692371 117.03583244 196.95165491 125.3918375 199.01220703 133.79492188 C200.83575092 141.17463173 202.86863054 148.47282153 205.00292969 155.76782227 C207.30372759 163.70648206 209.30627782 171.71126469 211.2578125 179.7421875 C211.49113281 180.69738281 211.72445313 181.65257813 211.96484375 182.63671875 C212.29452148 183.98999268 212.29452148 183.98999268 212.63085938 185.37060547 C213.25210042 187.8737329 213.25210042 187.8737329 214.43359375 190.73828125 C216.82395769 199.3864376 214.85835397 208.33064827 213.07421875 216.921875 C212.84573242 218.06567627 212.61724609 219.20947754 212.38183594 220.38793945 C210.78606823 228.33110916 209.1078356 236.25733778 207.42578125 244.18261719 C204.5492606 257.89903237 201.99379997 271.68091405 199.38378906 285.44995117 C199.19308334 286.45358704 199.00237762 287.4572229 198.80589294 288.49127197 C198.44692105 290.38120759 198.08913899 292.27136976 197.73280334 294.1618042 C197.48668556 295.45734222 197.48668556 295.45734222 197.2355957 296.77905273 C197.02505302 297.89291603 197.02505302 297.89291603 196.81025696 299.02928162 C196.01655607 302.94338459 195.13732199 306.83789079 194.26171875 310.734375 C177.37920963 310.78133541 160.49672123 310.81648058 143.61416149 310.83799934 C135.77326954 310.84826156 127.93241844 310.86222372 120.09155273 310.88525391 C113.24828492 310.90534416 106.40504673 310.91812804 99.56175023 310.92255199 C95.94661334 310.92513324 92.33156109 310.93109132 88.71645164 310.94583511 C69.39749007 311.02149363 50.41406334 310.68117739 31.4453125 306.625 C29.28556745 306.16466724 27.12631534 305.70712761 24.96142578 305.27148438 C-3.17108416 299.55964616 -30.06226871 288.21211446 -54.36328125 272.984375 C-55.03182129 272.57324463 -55.70036133 272.16211426 -56.38916016 271.73852539 C-63.62571429 266.99181746 -67.87404523 260.16955258 -71.55078125 252.484375 C-71.88207031 251.80020508 -72.21335937 251.11603516 -72.5546875 250.41113281 C-73.26075146 248.94302033 -73.96198517 247.47257631 -74.65869141 246 C-75.73902626 243.73281153 -76.85299824 241.48430467 -77.96875 239.234375 C-88.39019 217.72428921 -93.76537185 194.20215959 -97.73828125 170.734375 C-97.86960449 169.99268066 -98.00092773 169.25098633 -98.13623047 168.48681641 C-100.0187852 157.42647733 -99.93865714 146.23441991 -99.98828125 135.046875 C-99.99372955 134.31367035 -99.99917786 133.5804657 -100.00479126 132.82504272 C-100.05899078 123.00669654 -99.53122627 113.33303301 -98.61628723 103.55905151 C-97.76503506 94.38513854 -97.10914724 85.20324517 -96.484375 76.01171875 C-96.43105389 75.22993067 -96.37773277 74.44814259 -96.32279587 73.64266396 C-95.99322482 68.80564118 -95.66679602 63.96841079 -95.34143066 59.13110352 C-95.00962859 54.20517536 -94.67478749 49.27945299 -94.34040165 44.35369968 C-94.08038793 40.52271002 -93.82077844 36.69169473 -93.56260681 32.86058044 C-92.97501712 24.15032363 -92.36756675 15.4417309 -91.73828125 6.734375 C-91.1362085 6.66743942 -90.53413574 6.60050385 -89.91381836 6.53153992 C-87.18822494 6.22775523 -84.46322519 5.91893297 -81.73828125 5.609375 C-80.08119141 5.42121216 -80.08119141 5.42121216 -78.390625 5.22924805 C-70.14447506 4.2781444 -61.9092692 3.25430416 -53.67578125 2.19921875 C-51.52734652 1.92527126 -49.378909 1.65134565 -47.23046875 1.37744141 C-43.99590336 0.96480113 -40.76170248 0.54993047 -37.52832031 0.12811279 C-34.45315818 -0.27298756 -31.37708717 -0.6663761 -28.30078125 -1.05859375 C-27.38482178 -1.18033463 -26.4688623 -1.3020755 -25.52514648 -1.42750549 C-16.59911251 -2.55232966 -8.55285131 -3.09893156 0 0 Z " fill="#FEFEFE" transform="translate(892.73828125,2990.265625)"/>
<path d="M0 0 C1.98162358 -0.05576512 3.96361427 -0.09796365 5.94558066 -0.13980848 C8.32209092 -0.19161491 10.69827255 -0.26604218 13.0731346 -0.36858541 C18.15666243 -0.45640192 21.6580205 -0.4627409 25.65467852 2.90050811 C27.73863739 5.11090506 29.50261875 7.33052228 30.84713763 10.068721 C31.21624255 10.78415068 31.58534747 11.49958037 31.96563739 12.23668975 C32.34588061 12.97532256 32.72612384 13.71395537 33.11788958 14.474971 C34.00352442 15.99590452 34.90079253 17.51011353 35.80856341 19.01793975 C37.76356187 22.27987367 39.66940891 25.56466909 41.55343646 28.8680374 C46.56052799 37.50198835 52.31707152 45.65590007 57.96215838 53.87960356 C60.99017547 58.30130277 63.98115873 62.74774388 66.97335833 67.193721 C67.54039477 68.03305175 68.10743121 68.8723825 68.69165057 69.73714751 C71.42946267 73.79368239 74.14569499 77.86174628 76.81686419 81.96251982 C81.36673973 88.92527296 85.92491091 95.61144534 91.34835833 101.92418975 C111.28445625 125.85553035 112.93982562 153.98637138 115.91476458 183.78502959 C116.57049403 190.29436174 117.37932035 196.76851798 118.30538958 203.24450225 C118.49402827 204.56461806 118.49402827 204.56461806 118.68647784 205.91140288 C118.92526352 207.57112878 119.16503539 209.23071319 119.405945 210.89013213 C119.92544219 214.4899592 120.42137684 218.09256151 120.90304583 221.69762725 C121.05523577 222.815325 121.20742572 223.93302275 121.36422747 225.08459014 C121.67753527 228.13468389 121.73772829 231.09873986 121.68038958 234.162471 C120.72076312 234.47885527 119.76113665 234.79523955 118.7724306 235.12121123 C95.61185193 242.743484 95.61185193 242.743484 72.61788958 250.849971 C63.29410698 254.25494074 53.91933411 257.46161222 44.49142474 260.56627959 C37.89308734 262.7437215 31.31632889 264.97114413 24.75460833 267.256221 C23.20301922 267.7948937 21.65142416 268.33354927 20.09982318 268.87218779 C17.8321768 269.6597495 15.56541001 270.44942111 13.30130023 271.24709624 C0.25974302 275.84098133 -12.87965354 279.70433353 -26.56961042 281.849971 C-27.25539167 281.96663115 -27.94117292 282.08329131 -28.64773542 282.20348662 C-41.23052503 284.25050295 -53.8545679 284.40373722 -66.56961042 284.412471 C-67.89869931 284.41348311 -67.89869931 284.41348311 -69.25463849 284.41451567 C-83.46868465 284.39737159 -97.31196658 283.75638779 -111.31961042 281.162471 C-112.34973249 280.9749124 -113.37985456 280.78735381 -114.44119245 280.59411162 C-117.61564566 280.00025296 -120.78083903 279.37321314 -123.94461042 278.724971 C-124.8998863 278.53201445 -125.85516217 278.33905791 -126.83938581 278.1402542 C-135.63654295 276.19388219 -141.08211615 271.73236916 -147.50711042 265.662471 C-148.16566022 265.0415457 -148.82421003 264.42062041 -149.50271589 263.7808792 C-178.26205982 236.40950749 -198.70883885 202.27412849 -212.31961042 165.162471 C-212.62624616 164.32699736 -212.9328819 163.49152373 -213.24880964 162.63073272 C-216.87471113 152.59635822 -219.61320031 142.42582425 -222.11648542 132.0609085 C-223.19618912 127.60843263 -224.38571464 123.19581931 -225.63211042 118.787471 C-227.89360503 110.76522188 -230.05297891 102.71750946 -232.19461042 94.662471 C-232.88333673 92.07260709 -233.57214746 89.48276565 -234.26101667 86.89293975 C-234.43214978 86.2494609 -234.6032829 85.60598204 -234.77960187 84.94300383 C-236.55161172 78.28371697 -238.33986592 71.62883603 -240.13211042 64.974971 C-240.40974225 63.943721 -240.68737409 62.912471 -240.97341901 61.849971 C-241.23848249 60.86641631 -241.50354596 59.88286162 -241.77664167 58.86950225 C-242.03010358 57.92671416 -242.2835655 56.98392607 -242.54470807 56.01256865 C-243.08216681 54.03579067 -243.62940597 52.06165597 -244.18435651 50.08971709 C-244.45973249 49.10696807 -244.73510846 48.12421904 -245.01882917 47.11168975 C-245.26850446 46.23214629 -245.51817975 45.35260283 -245.77542096 44.44640654 C-246.31961042 42.162471 -246.31961042 42.162471 -246.31961042 39.162471 C-219.78590303 25.78108078 -219.78590303 25.78108078 -208.32565385 20.48604411 C-203.27848072 18.13849693 -198.40130562 15.67372188 -193.60670453 12.84321135 C-174.8608778 2.1732342 -158.18112592 1.18815035 -136.9838286 1.23856252 C-132.49079361 1.23536197 -127.99892418 1.15851325 -123.50648481 1.09064788 C-115.01251128 0.97309567 -106.51944393 0.91947556 -98.02475762 0.89007568 C-88.4509936 0.8537209 -78.87852306 0.74361869 -69.30544084 0.62799126 C-52.74260252 0.43008794 -36.1788616 0.24966533 -19.61472493 0.22190398 C-18.09465617 0.219017 -16.57458766 0.21598774 -15.05451947 0.21280974 C-14.31944787 0.21131907 -13.58437627 0.20982839 -12.82702976 0.20829254 C-8.54897515 0.19252293 -4.27629827 0.12312112 0 0 Z " fill="#FEFEFE" transform="translate(1413.3196104168892,3324.83752900362)"/>
<path d="M0 0 C1.03060547 0.77645874 1.03060547 0.77645874 2.08203125 1.56860352 C3.2429126 2.43364502 3.2429126 2.43364502 4.42724609 3.31616211 C5.64855225 4.2474292 5.64855225 4.2474292 6.89453125 5.19750977 C8.17191162 6.15584717 8.17191162 6.15584717 9.47509766 7.13354492 C11.95589788 8.99918546 14.42706706 10.87678011 16.89453125 12.76000977 C17.49362305 13.21617676 18.09271484 13.67234375 18.70996094 14.14233398 C21.82236045 16.51647464 24.91857312 18.91124617 28.01367188 21.30786133 C38.78021987 29.62035192 49.60528659 37.85191479 60.58203125 45.88500977 C67.52478166 50.96591263 74.34055313 56.18593804 81.1081543 61.49731445 C87.36885218 66.39370393 93.74432571 71.12184684 100.17578125 75.79125977 C101.66217923 76.87465548 103.14061389 77.969057 104.61108398 79.07397461 C106.17134157 80.22602624 107.7645302 81.3344327 109.38305664 82.40307617 C117.53572347 88.14769329 121.13168594 95.66216878 125.33203125 104.38500977 C126.09603593 105.92520105 126.86236435 107.46424156 127.63085938 109.00219727 C129.24457402 112.24109698 130.84433869 115.48634027 132.43310547 118.73754883 C134.90306783 123.78825075 137.41146543 128.81916469 139.9296875 133.84594727 C140.34347656 134.67205002 140.75726562 135.49815277 141.18359375 136.34928894 C142.01150869 138.00208873 142.83949077 139.6548549 143.6675415 141.30758667 C144.88528806 143.74153512 146.09926375 146.1773271 147.31201172 148.61376953 C151.80566719 157.63667504 156.34760213 166.62614792 161.13085938 175.50024414 C162.93554225 178.85755921 164.56961099 182.18341155 165.89453125 185.76000977 C158.8092173 191.76018555 151.62351506 197.56755404 144.2421875 203.19750977 C140.78894534 205.83279876 137.36995247 208.51029737 133.95703125 211.19750977 C133.08087158 211.88707764 133.08087158 211.88707764 132.18701172 212.59057617 C130.42249367 213.97993368 128.65848187 215.36993195 126.89453125 216.76000977 C118.47500576 223.39151121 110.03495153 229.99557959 101.56738281 236.56567383 C98.12192147 239.24092155 94.68146362 241.9209844 91.26953125 244.63891602 C53.24158746 274.92163889 11.42048409 297.88434726 -37.10546875 305.76000977 C-37.82508789 305.88102051 -38.54470703 306.00203125 -39.28613281 306.12670898 C-50.79616102 308.0272764 -59.12144334 307.62119196 -69.79296875 302.88500977 C-70.70288574 302.48572266 -71.61280273 302.08643555 -72.55029297 301.67504883 C-93.71212424 292.23826177 -113.39996911 280.79833478 -131.10546875 265.76000977 C-132.18856418 264.86128548 -133.27191722 263.9628716 -134.35546875 263.06469727 C-146.45234361 252.95487843 -157.36019614 242.17676637 -167.10546875 229.76000977 C-167.71132812 229.03297852 -168.3171875 228.30594727 -168.94140625 227.55688477 C-178.4571974 216.07369376 -186.66322492 203.4637153 -194.90869141 191.05493164 C-198.69142351 185.38125389 -202.51853061 179.73759718 -206.34170532 174.09112549 C-207.82760014 171.89635683 -209.31267464 169.70103488 -210.79760742 167.50561523 C-215.42728786 160.66216029 -220.060953 153.82147795 -224.70848083 146.99012756 C-226.65028406 144.1358 -228.59048067 141.28038191 -230.53067017 138.42495728 C-231.45047722 137.07243077 -232.37118293 135.72051495 -233.29281616 134.36923218 C-234.57237453 132.49314052 -235.84897555 130.61506857 -237.125 128.73657227 C-237.84792236 127.67519043 -238.57084473 126.61380859 -239.31567383 125.52026367 C-240.75821792 123.29554623 -241.95083682 121.13584771 -243.10546875 118.76000977 C-236.34405606 111.5759156 -229.53058172 104.44547759 -222.65172958 97.3736515 C-219.45666437 94.08582084 -216.28000442 90.78405705 -213.14355469 87.44018555 C-197.50286237 70.79337158 -184.7082122 59.18429168 -162.12338257 53.56898499 C-157.36789937 52.29424081 -152.85379481 50.47224022 -148.29296875 48.63500977 C-141.42015306 45.97835465 -134.51029183 43.47007406 -127.54296875 41.07250977 C-117.84785309 37.73306257 -108.18774822 34.30412509 -98.54296875 30.82250977 C-97.42585007 30.41937057 -97.42585007 30.41937057 -96.28616333 30.00808716 C-83.65821732 25.44620656 -71.06558823 20.79098903 -58.47729492 16.1210022 C-29.68699238 5.44777446 -29.68699238 5.44777446 -17.54296875 1.13500977 C-16.52187012 0.76279297 -15.50077148 0.39057617 -14.44873047 0.00708008 C-13.52979004 -0.31421875 -12.61084961 -0.63551758 -11.6640625 -0.96655273 C-10.89376709 -1.24063965 -10.12347168 -1.51472656 -9.32983398 -1.79711914 C-5.72296897 -2.51524593 -3.14585347 -1.85271217 0 0 Z " fill="#FEFEFE" transform="translate(1877.10546875,3471.239990234375)"/>
<path d="M0 0 C3.76869954 1.18871287 7.52327788 2.40247838 11.26171875 3.68359375 C16.32722641 5.41251259 21.40233449 7.07905854 26.5234375 8.63671875 C36.08380832 11.55875388 45.5733706 14.6996477 55.07421875 17.80859375 C59.18734673 19.15281304 63.30070998 20.49631174 67.4140625 21.83984375 C68.44867615 22.17789536 69.48328979 22.51594696 70.54925537 22.86424255 C78.18499807 25.35846211 85.82356718 27.84385368 93.46548462 30.3190918 C97.68967393 31.68764432 101.9119642 33.06144774 106.12988281 34.44921875 C113.07811757 36.73164804 120.01466512 38.97735109 127.0546875 40.96484375 C139.70799581 44.61370032 147.88912234 48.94620696 156.76416016 58.70947266 C159.91824479 62.12260702 163.22990853 65.37449307 166.52636719 68.64941406 C168.26257582 70.37674183 169.99154408 72.11138899 171.71191406 73.85449219 C175.24553899 77.43087982 178.77345526 80.9447723 182.59765625 84.2109375 C188.35216508 89.15086475 193.61179265 94.61563044 198.94921875 99.99609375 C200.02645582 101.07836084 201.10392836 102.16039361 202.18164062 103.2421875 C204.16186129 105.23049629 206.14043887 107.22038741 208.11791992 109.21142578 C208.99037354 110.08911621 209.86282715 110.96680664 210.76171875 111.87109375 C211.64126221 112.7616748 212.52080566 113.65225586 213.42700195 114.56982422 C215.75160291 116.86112283 218.17899526 118.87870706 220.76171875 120.87109375 C218.96162181 124.72156848 216.70709907 128.27870903 214.44921875 131.87109375 C213.79433472 132.91571777 213.79433472 132.91571777 213.1262207 133.98144531 C207.98916312 142.14394857 202.71656243 150.21822467 197.44384766 158.29345703 C194.66937085 162.54497026 191.90326893 166.80192014 189.13671875 171.05859375 C188.59047852 171.89825684 188.04423828 172.73791992 187.48144531 173.60302734 C185.04670201 177.34704694 182.61554657 181.09311396 180.203125 184.8515625 C177.40828418 189.20384207 174.58889094 193.53975617 171.76171875 197.87109375 C171.41026794 198.4107074 171.05881714 198.95032104 170.69671631 199.50628662 C150.46720988 230.55615196 150.46720988 230.55615196 138.76171875 243.87109375 C138.01535156 244.74378906 137.26898437 245.61648437 136.5 246.515625 C126.57076744 257.87642898 115.77753085 268.73114315 103.76171875 277.87109375 C103.2320752 278.28246582 102.70243164 278.69383789 102.15673828 279.11767578 C92.34843886 286.71636691 82.03003754 293.30601514 71.25195312 299.44433594 C69.63234404 300.37227667 68.02105091 301.31493849 66.41992188 302.27441406 C54.56498359 309.35572302 45.4520402 311.2432093 31.76171875 309.87109375 C30.38886719 309.75362793 30.38886719 309.75362793 28.98828125 309.63378906 C-25.58642659 304.80858624 -71.5198369 280.75370655 -114.30053711 247.93457031 C-120.06538072 243.51259863 -125.8755254 239.16226269 -131.73828125 234.87109375 C-139.35356323 229.29377141 -146.87253418 223.59943457 -154.36499023 217.85839844 C-161.23846491 212.60255109 -168.18768804 207.45694617 -175.19921875 202.38671875 C-176.30330078 201.58234375 -176.30330078 201.58234375 -177.4296875 200.76171875 C-178.07107666 200.29797852 -178.71246582 199.83423828 -179.37329102 199.35644531 C-181.4915937 197.66934575 -183.3556693 195.81500732 -185.23828125 193.87109375 C-184.85269547 193.08446098 -184.85269547 193.08446098 -184.45932007 192.28193665 C-182.22871423 187.73092804 -179.99911936 183.17942697 -177.77050781 178.62744141 C-175.659496 174.31643497 -173.54371799 170.00781135 -171.42480469 165.70068359 C-166.84563258 156.38018888 -162.27503982 147.06505696 -157.98046875 137.609375 C-157.37099829 136.28391761 -156.76115243 134.95863275 -156.15087891 133.63354492 C-155.08274446 131.29666751 -154.0361887 128.94973882 -153.01708984 126.59106445 C-149.28288692 118.483533 -144.39205677 114.07278744 -137.23828125 108.87109375 C-135.86939716 107.76923344 -134.50775426 106.65826623 -133.15625 105.53515625 C-126.91360431 100.44555334 -120.65258752 95.38651759 -114.30078125 90.43359375 C-108.20477198 85.67858349 -102.23352558 80.78079757 -96.27587891 75.85400391 C-91.84638063 72.19151832 -87.39003771 68.56864376 -82.890625 64.9921875 C-79.32299467 62.13913408 -75.78132512 59.25458701 -72.23828125 56.37109375 C-67.15252855 52.23294585 -62.05241801 48.11479738 -56.92578125 44.02734375 C-53.34990304 41.15832518 -49.79440198 38.26454253 -46.23828125 35.37109375 C-41.15247476 31.23301135 -36.05241874 27.11479796 -30.92578125 23.02734375 C-28.05841031 20.72677869 -25.20410211 18.41074348 -22.3527832 16.09033203 C-20.95188658 14.95130489 -19.54939749 13.81423332 -18.14526367 12.67919922 C-15.11800903 10.23015994 -12.10504458 7.77498396 -9.1640625 5.22265625 C-8.30167969 4.48789063 -7.43929687 3.753125 -6.55078125 2.99609375 C-5.46216797 2.04089844 -5.46216797 2.04089844 -4.3515625 1.06640625 C-2.23828125 -0.12890625 -2.23828125 -0.12890625 0 0 Z " fill="#FEFEFE" transform="translate(2334.23828125,3461.12890625)"/>
<path d="M0 0 C1.5618005 2.55322285 2.71516416 4.84684437 3.86328125 7.58203125 C4.21230499 8.37070587 4.56132874 9.15938049 4.92092896 9.97195435 C6.06933897 12.57803115 7.19068 15.19488055 8.3125 17.8125 C9.10826103 19.63109875 9.90589106 21.44888076 10.70532227 23.26586914 C12.34763685 27.00499201 13.97996493 30.74823314 15.60449219 34.49511719 C17.82360582 39.60660891 20.07862709 44.70130698 22.3515625 49.7890625 C22.69529907 50.55855728 23.03903564 51.32805206 23.39318848 52.12086487 C24.0733845 53.64331752 24.75364077 55.16574325 25.43395996 56.68814087 C27.40105934 61.09724542 29.35405096 65.5126039 31.30871582 69.92723083 C33.26460912 74.34364594 35.22797289 78.75664045 37.1953125 83.16796875 C39.83372067 89.09628176 42.44013605 95.03733597 45 101 C45.34353516 101.79921875 45.68707031 102.5984375 46.04101562 103.421875 C51.021756 115.16005272 54.39855704 127.12520468 57.39501953 139.50927734 C57.89028475 141.54829905 58.40867486 143.5816914 58.93359375 145.61328125 C63.1216782 162.34391915 64.48314557 179.16100929 64.33618164 196.35864258 C64.31237124 199.328561 64.31568352 202.29758669 64.32226562 205.26757812 C64.28467817 237.20979237 64.28467817 237.20979237 57.0625 246.1875 C56.57523438 246.84202148 56.08796875 247.49654297 55.5859375 248.17089844 C54.09428988 250.14666048 52.55866515 252.07682851 51 254 C50.29979736 254.87615967 50.29979736 254.87615967 49.58544922 255.77001953 C46.49501583 259.60911509 43.27705849 263.31991855 40 267 C39.56220215 267.49951172 39.1244043 267.99902344 38.67333984 268.51367188 C6.29067803 305.41958805 -36.75163324 329.00887043 -83.05297852 344.00341797 C-85.97656475 344.992075 -88.86349573 346.06049471 -91.74995422 347.1522522 C-96.10013682 348.79126673 -100.4679085 350.38293598 -104.83203125 351.984375 C-105.86325607 352.36305725 -106.8944809 352.7417395 -107.95695496 353.13189697 C-111.24204212 354.33818892 -114.52726317 355.54411573 -117.8125 356.75 C-121.04797043 357.93781787 -124.28341115 359.1257164 -127.51876831 360.31384277 C-129.63394365 361.09040385 -131.74927826 361.86653123 -133.86477661 362.64221191 C-138.82750389 364.46274045 -143.78726558 366.2904321 -148.73974609 368.13867188 C-149.62313156 368.46740295 -150.50651703 368.79613403 -151.41667175 369.13482666 C-153.06231373 369.74777929 -154.70699575 370.36331761 -156.35054016 370.98187256 C-161.77661821 373 -161.77661821 373 -164 373 C-165.29162519 371.08990624 -166.48369804 369.11235348 -167.6328125 367.11328125 C-167.98834198 366.5004277 -168.34387146 365.88757416 -168.71017456 365.25614929 C-169.85550173 363.27890997 -170.99059548 361.29602267 -172.125 359.3125 C-173.60390566 356.74443521 -175.08677805 354.17867424 -176.5703125 351.61328125 C-176.94118988 350.97058289 -177.31206726 350.32788452 -177.69418335 349.66571045 C-180.69095085 344.48921581 -183.81132463 339.39575025 -186.96337891 334.31225586 C-190.76399074 328.13113614 -194.43394153 321.8719271 -198.125 315.625 C-204.61242059 304.6528963 -211.15470917 293.72189229 -217.89892578 282.90478516 C-218.4298584 282.0441748 -218.96079102 281.18356445 -219.5078125 280.296875 C-220.19834717 279.18844238 -220.19834717 279.18844238 -220.90283203 278.05761719 C-222.9680834 274.18446665 -223.22685455 270.26642923 -223.58496094 265.93286133 C-223.68904266 264.69368454 -223.79312439 263.45450775 -223.90036011 262.17778015 C-224.01172891 260.81253301 -224.12306622 259.44728329 -224.234375 258.08203125 C-224.35361391 256.65047085 -224.473179 255.21893758 -224.5930481 253.78742981 C-224.84882668 250.7261308 -225.10266912 247.66468013 -225.35491943 244.60308838 C-225.95179827 237.35883745 -226.55685756 230.11526877 -227.16218185 222.87171936 C-227.29927464 221.23083034 -227.4362393 219.5899306 -227.57307816 217.94902039 C-228.51942766 206.60501578 -229.4955463 195.26409083 -230.5078125 183.92578125 C-230.62479492 182.61219131 -230.74177734 181.29860138 -230.86230469 179.94520569 C-231.30692719 174.95998184 -231.75227779 169.97484226 -232.20544434 164.99038696 C-232.51265269 161.6110659 -232.81526152 158.23135893 -233.1171875 154.8515625 C-233.20751251 153.87653275 -233.29783752 152.90150299 -233.39089966 151.89692688 C-233.77074369 147.6089513 -234.09457935 143.31927018 -234.24316406 139.01660156 C-234.27009338 138.3153717 -234.29702271 137.61414185 -234.32476807 136.8916626 C-233.89661159 134.39779799 -232.87910705 133.51463187 -230.9921875 131.8828125 C-229.63979479 130.93435947 -228.26565995 130.01640007 -226.875 129.125 C-225.38940884 128.09550274 -223.9050544 127.06421882 -222.421875 126.03125 C-221.67357422 125.52335937 -220.92527344 125.01546875 -220.15429688 124.4921875 C-217.03750937 122.33332472 -214.08252051 119.99493943 -211.125 117.625 C-209.98372043 116.72183742 -208.84177618 115.81951421 -207.69921875 114.91796875 C-207.10931152 114.45181152 -206.5194043 113.9856543 -205.91162109 113.50537109 C-196.13376212 105.80546325 -186.27829748 98.2035415 -176.40625 90.625 C-172.25758632 87.43372025 -168.12967519 84.215787 -164 81 C-158.84442648 76.98534375 -153.68315772 72.97898977 -148.5 69 C-137.95002611 60.89793935 -127.45291783 52.72687594 -117 44.5 C-111.63497734 40.27884511 -106.25940738 36.07140474 -100.875 31.875 C-100.17117187 31.32521484 -99.46734375 30.77542969 -98.7421875 30.20898438 C-97.29607778 29.08319859 -95.84227538 27.96724047 -94.38183594 26.86010742 C-92.6828599 25.53328307 -91.0284482 24.14856567 -89.40722656 22.7277832 C-80.85318601 15.57463242 -72.73693254 13.57071967 -62 11.4375 C-60.29382593 11.07593512 -58.58826556 10.71146333 -56.88330078 10.34423828 C-53.36406067 9.58956049 -49.84203179 8.850555 -46.31738281 8.12158203 C-41.06680441 7.0265783 -35.84130484 5.83528875 -30.6171875 4.62109375 C-28.15881167 4.05409305 -25.700264 3.48784215 -23.24169922 2.92166138 C-21.67284239 2.55928604 -20.10447432 2.19478766 -18.53662109 1.82809448 C-16.35726008 1.32082236 -14.1753025 0.82676284 -11.9921875 0.3359375 C-10.75839355 0.05282715 -9.52459961 -0.2302832 -8.25341797 -0.52197266 C-2.86354381 -1.31391124 -2.86354381 -1.31391124 0 0 Z " fill="#FEFEFE" transform="translate(3595,2511)"/>
<path d="M0 0 C1.578125 1.6015625 1.578125 1.6015625 3.25 3.625 C5.57375981 6.36859877 7.92880824 8.98671796 10.5 11.5 C13.59356643 14.53832417 16.42105507 17.7476532 19.25 21.03125 C21.44994895 23.50619257 23.79381445 25.80713674 26.15649414 28.12524414 C27.93336641 29.93223688 29.59436873 31.79344934 31.24609375 33.71484375 C34.91403563 37.93292848 38.71662506 42.00691073 42.5625 46.0625 C43.97681753 47.55965495 45.39087515 49.05705547 46.8046875 50.5546875 C47.50819336 51.29944336 48.21169922 52.04419922 48.93652344 52.81152344 C53.1851102 57.31747844 57.40696546 61.84827494 61.625 66.3828125 C63.8618288 68.78624114 66.11251568 71.1754044 68.375 73.5546875 C101.39735344 108.41618711 124.38738951 151.49153038 134.375 198.5 C134.55506592 199.31267334 134.73513184 200.12534668 134.9206543 200.96264648 C136.9596476 211.12427228 134.64032353 218.97790744 130.9375 228.5 C130.53265381 229.55517822 130.12780762 230.61035645 129.71069336 231.69750977 C119.52331471 257.88538156 105.38594444 281.69133611 87 303 C86.35417969 303.75667969 85.70835937 304.51335938 85.04296875 305.29296875 C73.97500531 317.92695379 62.08751329 329.60366807 48.671875 339.70849609 C45.78408144 341.93928288 43.02053035 344.3138063 40.25 346.6875 C35.81884461 350.47191066 31.33499374 354.17157605 26.76953125 357.79296875 C23.28631542 360.56873313 19.83014172 363.37691565 16.375 366.1875 C15.69203857 366.7429248 15.00907715 367.29834961 14.30541992 367.87060547 C12.90242221 369.01177787 11.49950959 370.1530549 10.09667969 371.29443359 C6.73237287 374.03116478 3.36612968 376.76551148 0 379.5 C-4.12943691 382.85481643 -8.25854216 386.21003903 -12.38671875 389.56640625 C-13.10666016 390.15164063 -13.82660156 390.736875 -14.56835938 391.33984375 C-15.94088268 392.45557237 -17.31328623 393.57144833 -18.68554688 394.6875 C-19.90769285 395.68088856 -21.13261828 396.67087145 -22.36083984 397.65673828 C-23.84536345 398.87327818 -25.27969712 400.15043478 -26.70703125 401.43359375 C-29 403 -29 403 -30.94140625 403.0546875 C-33.96922531 401.50343295 -36.40522671 399.36195558 -38.9375 397.125 C-40.1001266 396.1196369 -41.26289092 395.11443304 -42.42578125 394.109375 C-43.0182666 393.59310547 -43.61075195 393.07683594 -44.22119141 392.54492188 C-47.00151935 390.13016546 -49.81246308 387.75208269 -52.625 385.375 C-53.16640625 384.91617432 -53.7078125 384.45734863 -54.265625 383.98461914 C-57.62736526 381.14080965 -61.02009906 378.33945099 -64.4375 375.5625 C-69.30129025 371.60491812 -74.05881231 367.53457554 -78.80834961 363.44165039 C-82.33298919 360.41054711 -85.89039882 357.43014684 -89.5 354.5 C-94.33978615 350.57123242 -99.0722132 346.52939681 -103.78881836 342.45458984 C-108.30397643 338.56416671 -112.9109059 334.81577503 -117.59765625 331.1328125 C-123.08786344 326.25857978 -126.13631487 321.21555368 -129.0390625 314.578125 C-129.40193863 313.76872971 -129.76481476 312.95933441 -130.13868713 312.12541199 C-131.31044393 309.50445319 -132.46799291 306.87749901 -133.625 304.25 C-134.43210638 302.4360157 -135.23980867 300.62229642 -136.0480957 298.80883789 C-140.95456684 287.7715472 -145.77421551 276.69773181 -150.38720703 265.53417969 C-152.84182013 259.61282744 -155.46725361 253.7877487 -158.19340515 247.98756409 C-161.52693167 240.89416407 -164.78827867 233.76980063 -167.99169922 226.61669922 C-168.67301177 225.10197481 -169.35968062 223.58964997 -170.05126953 222.07958984 C-171.06785878 219.85808381 -172.06687801 217.62940448 -173.0625 215.3984375 C-173.52946289 214.39216812 -173.52946289 214.39216812 -174.00585938 213.36557007 C-175.70267661 209.50571686 -176.4577559 207.02031907 -175 203 C-174.02294922 201.14501953 -174.02294922 201.14501953 -172.8046875 199.3828125 C-172.34416992 198.70597412 -171.88365234 198.02913574 -171.40917969 197.33178711 C-170.64976074 196.23942749 -170.64976074 196.23942749 -169.875 195.125 C-168.77222276 193.50473235 -167.67071965 191.88359698 -166.5703125 190.26171875 C-165.69487793 188.976604 -165.69487793 188.976604 -164.80175781 187.66552734 C-161.73186893 183.12392209 -158.74063213 178.53153622 -155.75 173.9375 C-155.12843018 172.98399658 -154.50686035 172.03049316 -153.86645508 171.0480957 C-148.40533233 162.65508788 -143.00528707 154.2232774 -137.62988281 145.77514648 C-133.81273998 139.78664351 -129.9215645 133.85462459 -125.97094727 127.95336914 C-122.84079388 123.2629857 -119.76381455 118.53830199 -116.6875 113.8125 C-116.03942383 112.81782715 -115.39134766 111.8231543 -114.72363281 110.79833984 C-109.13101116 102.21055859 -103.56007483 93.60887719 -98 85 C-96.25057339 82.29129566 -94.50063959 79.58292056 -92.75 76.875 C-92.09306152 75.85865479 -92.09306152 75.85865479 -91.42285156 74.82177734 C-88.6513492 70.53863583 -85.86813542 66.26329796 -83.078125 61.9921875 C-82.40297852 60.95852051 -81.72783203 59.92485352 -81.03222656 58.85986328 C-79.70171383 56.82381437 -78.37036565 54.7883111 -77.03808594 52.75341797 C-76.42739258 51.81900879 -75.81669922 50.88459961 -75.1875 49.921875 C-74.64480469 49.09268555 -74.10210938 48.26349609 -73.54296875 47.40917969 C-71.96011302 45.01110224 -71.96011302 45.01110224 -70.6328125 42.4152832 C-68.65389823 39.48804054 -66.71596839 38.23853427 -63.6875 36.43359375 C-62.62168701 35.78946533 -61.55587402 35.14533691 -60.45776367 34.48168945 C-59.30520904 33.80023671 -58.15262037 33.11884154 -57 32.4375 C-55.81340578 31.72423491 -54.62762119 31.00962127 -53.44262695 30.29370117 C-51.6530638 29.21276897 -49.86305628 28.1326775 -48.07038879 27.05690002 C-43.06064297 24.05016616 -38.11485669 20.9517718 -33.1875 17.8125 C-31.69163945 16.86681853 -30.19554447 15.92150778 -28.69921875 14.9765625 C-26.19601814 13.39383819 -23.69649423 11.80585375 -21.20166016 10.20996094 C-18.3069101 8.35982759 -15.40411307 6.52289152 -12.5 4.6875 C-11.59660889 4.10524658 -10.69321777 3.52299316 -9.76245117 2.9230957 C-8.50331909 2.13165161 -8.50331909 2.13165161 -7.21875 1.32421875 C-6.47560547 0.85072998 -5.73246094 0.37724121 -4.96679688 -0.1105957 C-3 -1 -3 -1 0 0 Z " fill="#FEFEFE" transform="translate(3647,1997)"/>
<path d="M0 0 C7.55453951 0.94431744 15.01922102 1.98339062 22.49609375 3.421875 C30.1112623 4.88014028 37.74850944 6.04985803 45.4246521 7.13485718 C57.15546176 8.79552038 68.84437073 10.59310111 80.50537109 12.69555664 C85.39188715 13.57046808 90.25328461 14.30868664 95.1875 14.875 C145.30512261 21.21687162 192.90035326 41.62143495 231.27294922 74.53637695 C232.45912619 75.54162588 233.66532872 76.5235698 234.88720703 77.48510742 C247.80623639 87.85588787 250.65552458 110.49994477 253.6875 125.9375 C253.88996338 126.96004883 254.09242676 127.98259766 254.30102539 129.03613281 C257.25283348 144.74137602 258.38583875 160.2898013 258.3125 176.25 C258.31034485 177.10294647 258.3081897 177.95589294 258.30596924 178.83468628 C258.25228806 192.12543335 257.53122773 204.92767566 255 218 C254.80132324 219.08345703 254.60264648 220.16691406 254.39794922 221.28320312 C251.47341537 237.18740965 247.91154957 252.89448323 244.0390625 268.58862305 C241.6974822 278.07948898 239.45517012 287.58721726 237.3125 297.125 C237.02689209 298.39553223 236.74128418 299.66606445 236.44702148 300.97509766 C234.41815267 310.04761983 232.43257686 319.12962569 230.5090332 328.22509766 C230.32300537 329.09569824 230.13697754 329.96629883 229.9453125 330.86328125 C229.78562988 331.61907471 229.62594727 332.37486816 229.46142578 333.15356445 C229 335 229 335 228 337 C213.68108511 337.14228276 199.42866106 336.69241418 185.125 336.0625 C166.50046553 335.26140341 166.50046553 335.26140341 147.8671875 334.71484375 C146.58982224 334.68548485 146.58982224 334.68548485 145.28665161 334.65553284 C141.35673385 334.56744674 137.4270147 334.49065234 133.49658203 334.42993164 C120.09853199 334.18735444 111.07637656 332.01519569 99.25 325.625 C98.05554532 324.99134585 96.86054899 324.35871176 95.66503906 323.72705078 C87.42927395 319.36168834 79.24513791 314.89772754 71.078125 310.40527344 C63.5584949 306.27442401 55.95728229 302.31212879 48.33862305 298.36767578 C41.60668512 294.87031126 34.96913639 291.23062481 28.35888672 287.50952148 C23.59503674 284.84325184 18.77147842 282.34980224 13.875 279.9375 C13.02630341 279.48840775 13.02630341 279.48840775 12.16046143 279.03024292 C8.76358369 277.26121436 5.57669664 275.82238244 1.87158203 274.83105469 C-3.05870402 273.25186828 -6.89881981 271.25186681 -10 267 C-13.47942787 257.21735447 -13.35995857 246.12788353 -13.86553192 235.84180069 C-14.09254364 231.57178441 -14.40783187 227.30840091 -14.71728516 223.04370117 C-15.10801877 217.58090899 -15.48918807 212.11798106 -15.83364868 206.65205383 C-16.74526407 192.1872736 -17.89137222 177.7511799 -19.1484375 163.3125 C-19.24116188 162.24601919 -19.33388626 161.17953838 -19.42942047 160.08073997 C-19.80123902 155.81014633 -20.17408042 151.53964456 -20.54880905 147.26930523 C-21.52444379 136.14654751 -22.46227195 125.02066826 -23.3984375 113.89453125 C-24.75041274 97.546679 -24.75041274 97.546679 -26.28036499 81.21492004 C-27.18116088 70.59280054 -22.59356055 60.76867159 -19 51 C-18.45784555 49.51287305 -17.91621248 48.02555596 -17.375 46.53808594 C-11.70974904 30.9777272 -5.9964906 15.43623827 0 0 Z " fill="#FEFEFE" transform="translate(3255,1052)"/>
<path d="M0 0 C4.36419388 0.61378633 7.6370917 2.20800723 11.50390625 4.2890625 C12.44447876 4.79175911 12.44447876 4.79175911 13.40405273 5.30461121 C15.46017167 6.40537178 17.51126722 7.51516499 19.5625 8.625 C21.00154118 9.39734475 22.44091746 10.16906543 23.88061523 10.94018555 C27.55418577 12.90950889 31.22388876 14.88592053 34.89257812 16.86431885 C39.28705682 19.2324857 43.68697077 21.59052544 48.08666992 23.94897461 C50.40520935 25.19203224 52.72308035 26.4363374 55.0402832 27.68188477 C61.30224509 31.04262758 67.5880174 34.34860606 73.90795898 37.59887695 C103.04694667 52.60516775 130.33032539 69.20860645 154 92 C154.52368164 92.50176758 155.04736328 93.00353516 155.58691406 93.52050781 C162.60275517 100.27569848 169.05339972 107.26633849 175 115 C175.61560791 115.79301514 175.61560791 115.79301514 176.24365234 116.60205078 C184.66202218 127.50701915 192.07970776 139.09188984 199 151 C199.37850098 151.61762207 199.75700195 152.23524414 200.14697266 152.87158203 C202.21066756 158.02077842 201.34106119 164.20273335 201.3125 169.6875 C201.30976578 170.75902817 201.30976578 170.75902817 201.30697632 171.85220337 C201.10626793 218.68525045 186.7277525 263.40417807 162 303 C161.55076172 303.72010254 161.10152344 304.44020508 160.63867188 305.18212891 C158.19438171 309.08738389 155.73108167 312.98023167 153.2578125 316.8671875 C149.70420218 322.45515822 146.19406255 328.06992237 142.6875 333.6875 C142.05900146 334.69409668 141.43050293 335.70069336 140.78295898 336.73779297 C139.49924948 338.79388321 138.21564005 340.85003593 136.93212891 342.90625 C135.01237228 345.98018935 133.09053742 349.05281876 131.16796875 352.125 C123.07429338 365.06014973 115.01769104 378.01761042 107 391 C101.9216584 390.35323008 97.50186213 388.86695339 92.75 387.0625 C91.92338867 386.753125 91.09677734 386.44375 90.24511719 386.125 C80.14805509 382.3316286 70.08836952 378.43912122 60.02685547 374.55273438 C55.41734657 372.77393541 50.80431367 371.0043376 46.19140625 369.234375 C43.59067345 368.23598579 40.98997396 367.23750984 38.38928223 366.23901367 C36.69775189 365.58977502 35.00610523 364.94083932 33.31433105 364.29223633 C29.35415734 362.77372544 25.3964385 361.24957392 21.44384766 359.71142578 C18.56545434 358.59338381 15.67701446 357.51615517 12.77099609 356.47216797 C5.13183412 353.67509101 -0.56501162 350.75172833 -6 344.625 C-6.93694702 343.63101196 -6.93694702 343.63101196 -7.89282227 342.61694336 C-9.62362843 340.76807092 -11.31834953 338.89353735 -13 337 C-13.73089844 336.18402344 -14.46179687 335.36804687 -15.21484375 334.52734375 C-16.30921118 333.27911968 -17.39378797 332.0221897 -18.46484375 330.75390625 C-20.84856857 328.03051581 -23.4534663 325.53812549 -26.03125 323 C-28.55425459 320.43694772 -30.87562817 317.72654176 -33.21875 315 C-35.70257428 312.21114467 -38.36711437 309.62313017 -41.02734375 307.00390625 C-43.57337829 304.41753849 -45.92021557 301.6846472 -48.28515625 298.93359375 C-50.5004738 296.43568444 -52.8689817 294.11975011 -55.25 291.78125 C-57.70634849 289.28103815 -59.96309368 286.62319484 -62.25 283.96875 C-63.93798286 282.06976929 -65.68769734 280.27994012 -67.5 278.5 C-69.93389732 276.10946833 -72.21355559 273.64953738 -74.4375 271.0625 C-77.4707662 267.54065401 -80.69696801 264.28275133 -84.0078125 261.0234375 C-86.64865452 258.3411705 -89.10671667 255.52192612 -91.5546875 252.6640625 C-92.65402798 251.39833536 -93.8145434 250.1854566 -95 249 C-94.56537847 244.68413427 -93.43393343 240.52557829 -92.36328125 236.328125 C-92.12039619 235.36794464 -92.12039619 235.36794464 -91.87260437 234.3883667 C-91.1906681 231.69253363 -90.50345555 228.99805781 -89.81567383 226.30371094 C-87.52449215 217.31130466 -85.36571246 208.29574991 -83.29907227 199.24902344 C-78.35657659 177.73867614 -73.08584532 156.3070058 -67.79601479 134.87992859 C-66.02192166 127.6917373 -64.25807479 120.50133154 -62.51855469 113.3046875 C-60.98158403 106.94605031 -59.42623177 100.5922456 -57.84870756 94.24354267 C-57.02043206 90.90769148 -56.2009022 87.57028177 -55.40352249 84.22689819 C-54.51283952 80.51328218 -53.58970012 76.8091495 -52.65869141 73.10546875 C-52.40700699 72.0227771 -52.15532257 70.94008545 -51.89601135 69.82458496 C-49.87911906 62.01094592 -46.36210875 56.95267773 -41 51 C-39.91329672 49.67782194 -38.83243884 48.35077942 -37.76171875 47.015625 C-36.73707716 45.76033667 -35.71233632 44.50512935 -34.6875 43.25 C-30.59387428 38.22678628 -26.54607981 33.17336859 -22.5625 28.0625 C-17.71413971 21.84322404 -12.71725684 15.7523842 -7.68188477 9.68383789 C-6.83388306 8.66084595 -6.83388306 8.66084595 -5.96875 7.6171875 C-5.46794922 7.01503418 -4.96714844 6.41288086 -4.45117188 5.79248047 C-2.91673636 3.89715315 -1.45172035 1.95917535 0 0 Z " fill="#FEFEFE" transform="translate(3528,1492)"/>
<path d="M0 0 C1.74888781 -0.01791785 3.4977298 -0.0409166 5.24649048 -0.06858826 C9.98840247 -0.12747835 14.72721833 -0.11049138 19.46926403 -0.0762341 C23.44870628 -0.05488233 27.4276046 -0.07193349 31.40703797 -0.08917278 C40.82300039 -0.12980476 50.23749354 -0.1102368 59.65332031 -0.05078125 C69.29712525 0.00929728 78.93753821 -0.01990024 88.58114982 -0.09661537 C96.90637189 -0.16019872 105.23057518 -0.17177526 113.55598855 -0.14259094 C118.5071321 -0.12539301 123.45654205 -0.12499611 128.40752411 -0.17267036 C151.66356654 -0.36965587 169.73268534 1.1134532 190.09987068 13.00866318 C194.12977266 15.31202516 198.31771739 17.21712897 202.54394531 19.12719727 C203.94418357 19.78425791 205.34344883 20.44340107 206.74121094 21.10571289 C207.73737427 21.57593872 207.73737427 21.57593872 208.75366211 22.05566406 C209.41793213 22.36930908 210.08220215 22.6829541 210.76660156 23.00610352 C220.43508018 27.56917442 230.11335321 32.10674886 239.82910156 36.56860352 C237.38969528 47.23063778 234.778284 57.84733292 232.11425781 68.45532227 C231.86106844 69.46405584 231.86106844 69.46405584 231.60276413 70.49316788 C230.01218332 76.8291673 228.41879178 83.164458 226.82250977 89.49902344 C225.77138028 93.67131911 224.72312573 97.84433003 223.67675781 102.01782227 C223.50678158 102.69503767 223.33680534 103.37225307 223.16167831 104.06999016 C221.03353833 112.56096697 219.00975125 121.06767276 217.12207031 129.61547852 C215.19685803 138.28510832 212.86460171 146.6961067 210.07910156 155.13110352 C209.86600342 155.78260376 209.65290527 156.434104 209.43334961 157.10534668 C205.56683629 168.89414155 201.18975875 180.37191446 195.82910156 191.56860352 C195.26570068 192.7490625 195.26570068 192.7490625 194.69091797 193.95336914 C183.68025269 216.65442788 168.92005009 237.46378583 151.53613281 255.71704102 C149.95860281 257.37879701 148.40222254 259.06215533 146.90332031 260.79516602 C139.69211619 268.8841062 128.111053 270.42181201 117.95410156 272.69360352 C116.87257813 272.9449707 115.79105469 273.19633789 114.67675781 273.45532227 C59.4203341 286.03455579 6.86275932 275.06066041 -45.72601318 257.39001465 C-51.64605229 255.40105176 -57.56979946 253.42312293 -63.49279785 251.44299316 C-64.85601674 250.98691179 -66.21905554 250.53029178 -67.58190918 250.07312012 C-77.85838172 246.62644966 -88.17638314 243.33761991 -98.55322266 240.20410156 C-105.46897475 238.11502838 -112.32816323 235.88573218 -119.17089844 233.56860352 C-119.42390485 224.9382738 -118.32509921 216.55306121 -117.20571899 208.01248169 C-116.91246803 205.7737517 -116.62253211 203.53463269 -116.33496094 201.29516602 C-116.23541611 200.52065598 -116.13587128 199.74614594 -116.03330994 198.94816589 C-115.39822498 193.84508599 -114.91853465 188.74602285 -114.52684021 183.61875916 C-112.8729453 161.98531757 -110.88311519 145.87368202 -97.21582031 128.29174805 C-93.64857534 123.54138386 -90.63811301 118.4477484 -87.54589844 113.38110352 C-86.29669222 111.37849253 -85.04541615 109.37717109 -83.79199219 107.37719727 C-80.3794398 101.91039904 -76.99248394 96.42804921 -73.60839844 90.94360352 C-68.65577415 82.92168336 -63.61672446 74.95808308 -58.54394531 67.01171875 C-50.46337825 54.34286286 -42.49960363 41.59934181 -34.61621094 28.80688477 C-34.04588135 27.88206299 -33.47555176 26.95724121 -32.88793945 26.00439453 C-31.83423885 24.29393853 -30.78243516 22.58231147 -29.7331543 20.86914062 C-28.78183776 19.32410361 -27.81271149 17.78984159 -26.82321548 16.26897335 C-25.10349477 13.565106 -25.10349477 13.565106 -23.72205734 10.51809788 C-17.98152732 -0.33076631 -11.05883679 -0.16210954 0 0 Z " fill="#FEFEFE" transform="translate(2775.1708984375,3314.431396484375)"/>
<path d="M0 0 C1.90770927 0.1997644 1.90770927 0.1997644 3.85395813 0.40356445 C7.19649493 0.75459463 10.53843648 1.11049384 13.88018799 1.46887207 C17.30575295 1.83498795 20.73200633 2.1945413 24.15820312 2.5546875 C30.85220501 3.25965347 37.54549832 3.97105888 44.23828125 4.6875 C45.10030106 14.12247373 45.96122369 23.55754684 46.82090473 32.99273396 C47.2205203 37.37825808 47.62045513 41.76375251 48.02124023 46.14916992 C48.8757312 55.50139841 49.72479846 64.85408005 50.56355381 74.20773411 C50.93193819 78.30984038 51.30411019 82.4115257 51.6857605 86.51242065 C53.34950559 104.39016821 54.79868042 122.15064496 54.67578125 140.125 C54.6730722 141.08789948 54.67036316 142.05079895 54.66757202 143.0428772 C54.59936804 159.21452342 53.58941402 174.82232756 50.23828125 190.6875 C50.06167969 191.53554199 49.88507812 192.38358398 49.703125 193.25732422 C48.49251436 198.82725412 46.95263559 204.25347819 45.23828125 209.6875 C44.93825195 210.65300781 44.63822266 211.61851562 44.32910156 212.61328125 C29.25825119 260.39963012 29.25825119 260.39963012 13.05078125 270.6875 C12.31956055 271.15389893 11.58833984 271.62029785 10.83496094 272.10083008 C-6.08557529 282.65789438 -23.88675257 291.27077038 -42.76171875 297.6875 C-43.91285156 298.08195312 -45.06398438 298.47640625 -46.25 298.8828125 C-49.40368884 299.90064854 -52.56446515 300.81585469 -55.76171875 301.6875 C-56.48117676 301.8844043 -57.20063477 302.08130859 -57.94189453 302.28417969 C-77.07157716 307.45901915 -96.16384353 310.38285661 -115.96484375 311.21484375 C-116.93778381 311.25616928 -117.91072388 311.29749481 -118.91314697 311.34007263 C-132.06615871 311.86139273 -145.22781 312.03548915 -158.38896561 312.21992874 C-160.53609019 312.25034525 -162.68319177 312.28207431 -164.83029175 312.31417847 C-186.14096359 312.63170869 -207.44852367 312.84254843 -228.76171875 312.6875 C-231.43005037 302.59798802 -233.51273909 292.41316618 -235.57421875 282.1875 C-236.27669068 278.71444491 -236.98117254 275.24180426 -237.6875 271.76953125 C-237.86213776 270.9107991 -238.03677551 270.05206696 -238.21670532 269.16731262 C-239.30282767 263.85438365 -240.43538038 258.55414341 -241.6171875 253.26171875 C-241.89651123 252.00230469 -242.17583496 250.74289063 -242.46362305 249.4453125 C-242.97837797 247.14253614 -243.50137138 244.84157848 -244.03442383 242.54296875 C-246.76455958 230.28560725 -245.34940156 220.63861534 -242.25927734 208.61117554 C-241.62307713 206.13439197 -241.00106364 203.65441686 -240.3828125 201.1730957 C-239.55525337 197.85230052 -238.72381843 194.5325191 -237.88964844 191.21337891 C-236.44677148 185.44922196 -235.08691892 179.66726882 -233.76171875 173.875 C-233.53258789 172.87734619 -233.30345703 171.87969238 -233.06738281 170.85180664 C-231.5832222 164.35885569 -230.12775478 157.85957825 -228.67578125 151.359375 C-227.91325018 147.94780697 -227.15020492 144.53635441 -226.38671875 141.125 C-226.0993837 139.84074631 -226.0993837 139.84074631 -225.8062439 138.5305481 C-222.86703165 125.41164019 -219.84097116 112.31673159 -216.56201172 99.27807617 C-214.9641045 92.89190208 -213.50673675 86.5224049 -212.3515625 80.0390625 C-212.12299561 78.83813965 -211.89442871 77.6372168 -211.65893555 76.39990234 C-211.24231031 74.17109091 -210.86665231 71.93402948 -210.54223633 69.68994141 C-209.71309392 65.40083856 -209.11222017 62.62361101 -205.42089844 60.06494141 C-202.2454439 58.68933749 -199.08013899 57.66825896 -195.76171875 56.6875 C-193.4014047 55.87511905 -191.04207349 55.05987846 -188.68359375 54.2421875 C-186.68372689 53.57833944 -184.68103488 52.92358639 -182.67782593 52.26989746 C-178.74501996 50.98553952 -174.8181642 49.68316888 -170.890625 48.3828125 C-170.02528641 48.09664062 -169.15994781 47.81046875 -168.26838684 47.515625 C-156.30718913 43.55335459 -144.3797005 39.49109294 -132.44921875 35.4375 C-131.25623169 35.0323114 -130.06324463 34.6271228 -128.83410645 34.20965576 C-121.6304288 31.76287893 -114.42732778 29.31440982 -107.22454834 26.86499023 C-102.80937507 25.3636679 -98.39394832 23.86309184 -93.97853088 22.36248779 C-90.88860135 21.31212142 -87.79889308 20.26110645 -84.70922852 19.20996094 C-80.79254887 17.87750987 -76.87499922 16.547664 -72.95678711 15.21972656 C-64.32255326 12.28977865 -55.70409089 9.32707703 -47.12109375 6.25 C-44.93144584 5.47174523 -42.74141171 4.69458715 -40.55126953 3.91772461 C-38.59957146 3.21895409 -36.65538421 2.50184736 -34.7109375 1.78320312 C-33.54691406 1.37005859 -32.38289063 0.95691406 -31.18359375 0.53125 C-30.1997168 0.17224609 -29.21583984 -0.18675781 -28.20214844 -0.55664062 C-18.97182806 -2.58453389 -9.28918586 -1.00596792 0 0 Z " fill="#FEFEFE" transform="translate(3326.76171875,2968.3125)"/>
<path d="M0 0 C3.57954517 13.18857687 7.11176998 26.38587623 10.5 39.625 C12.95326762 49.19191864 15.6224669 58.67237494 18.44091797 68.13745117 C20.81953578 76.19891757 22.87510239 84.32021907 24.86914062 92.48413086 C26.46095282 98.96287052 28.22574583 105.35672883 30.16748047 111.73828125 C32.14092912 118.29403607 33.77968264 124.92571788 35.38891602 131.57910156 C35.68366821 132.79098145 35.68366821 132.79098145 35.984375 134.02734375 C36.15678711 134.74656006 36.32919922 135.46577637 36.50683594 136.20678711 C36.96020302 138.08209527 36.96020302 138.08209527 38 140 C37.69812321 147.40903665 35.60026798 153.10817068 32.57421875 159.8203125 C32.11931061 160.85659286 31.66440247 161.89287323 31.19570923 162.96055603 C29.70382154 166.35360351 28.19547311 169.739075 26.6875 173.125 C25.11143621 176.70134671 23.53994452 180.2796806 21.96861267 183.85810852 C20.89648511 186.29890956 19.82323587 188.73917799 18.74806213 191.17863464 C13.49853282 203.09582561 8.39248501 215.07227127 3.3125 227.0625 C2.48640059 229.00942401 1.66014943 230.95628364 0.83374023 232.90307617 C-0.34890821 235.68910819 -1.53148956 238.47516809 -2.7134552 241.26148987 C-6.20688055 249.49487988 -9.72310905 257.71839753 -13.25 265.9375 C-13.74588623 267.0932251 -14.24177246 268.2489502 -14.75268555 269.43969727 C-15.83459201 271.96002717 -16.91693994 274.48016567 -18 277 C-22.52165537 277 -23.92880646 276.15107376 -27.75 273.87890625 C-28.59199699 273.38276573 -28.59199699 273.38276573 -29.45100403 272.87660217 C-31.30587312 271.7804229 -33.15287851 270.67167668 -35 269.5625 C-36.30782103 268.78567937 -37.61601403 268.00948465 -38.92456055 267.23388672 C-48.7464489 261.39953729 -58.51158024 255.46986356 -68.26367188 249.51977539 C-77.13498741 244.11021545 -86.05792719 238.79163954 -95 233.5 C-106.45363183 226.72075014 -117.87530615 219.89269501 -129.22167969 212.93505859 C-134.40740176 209.76100021 -139.60194043 206.63261525 -144.90625 203.66015625 C-154.55275477 198.22089532 -161.34187019 193.79339317 -167 184 C-168.19434771 182.16519727 -169.41872311 180.35249986 -170.64453125 178.53857422 C-172.14216439 176.31945734 -173.62037292 174.08818105 -175.09765625 171.85546875 C-181.35989927 162.42863924 -187.73201036 153.07511851 -194.07836914 143.70483398 C-194.56978897 142.97914719 -195.0612088 142.25346039 -195.56752014 141.50578308 C-196.49365654 140.13827702 -197.42002225 138.77092621 -198.34666443 137.40376282 C-200.9142617 133.61331045 -203.4651996 129.81246889 -206 126 C-204.38387587 122.07646165 -201.68669953 119.28601774 -198.8125 116.25 C-197.80789698 115.17252422 -196.80398947 114.09439955 -195.80078125 113.015625 C-195.31561035 112.49548828 -194.83043945 111.97535156 -194.33056641 111.43945312 C-192.68338165 109.65747123 -191.08585594 107.8366604 -189.5 106 C-186.0932265 102.0691075 -182.56997215 98.24803427 -179.046875 94.421875 C-175.93510471 91.03654249 -172.88956127 87.60385506 -169.87890625 84.12890625 C-166.11952841 79.86932013 -162.24697829 75.70714831 -158.37084961 71.55371094 C-156.96536798 70.0061957 -156.96536798 70.0061957 -155.70922852 68.25097656 C-151.46026455 62.64444088 -146.4816561 60.48551408 -140.0625 57.875 C-138.96623291 57.41109863 -137.86996582 56.94719727 -136.74047852 56.46923828 C-133.167432 54.96187102 -129.58411399 53.48083275 -126 52 C-123.62160905 51.00187273 -121.24400866 50.00185964 -118.8671875 49 C-114.42673921 47.13046212 -109.98394225 45.2668775 -105.53761292 43.41137695 C-95.63134151 39.27646132 -85.75163081 35.08013686 -75.875 30.875 C-58.79142531 23.60294913 -41.69094066 16.37146855 -24.58349609 9.15576172 C-23.66108627 8.76664612 -22.73867645 8.37753052 -21.78831482 7.97662354 C-20.06986656 7.25176454 -18.35133649 6.52709942 -16.63270569 5.80267334 C-15.47344826 5.31374603 -15.47344826 5.31374603 -14.29077148 4.81494141 C-13.56324677 4.50937317 -12.83572205 4.20380493 -12.08615112 3.88897705 C-10.71356366 3.30407275 -9.34635869 2.7063441 -7.98538208 2.09490967 C-5.1272603 0.81632171 -3.17248966 0 0 0 Z " fill="#FEFEFE" transform="translate(752,1857)"/>
<path d="M0 0 C0.804375 0.21736816 1.60875 0.43473633 2.4375 0.65869141 C4.20242159 1.13619187 5.96655353 1.61661836 7.72998047 2.09960938 C12.83688728 3.49760421 17.95016677 4.8720095 23.0625 6.25 C24.15449707 6.54527588 25.24649414 6.84055176 26.37158203 7.14477539 C34.35850628 9.2991202 42.36268364 11.37987563 50.375 13.4375 C59.31508699 15.73497394 68.20137752 18.16637569 77.0637207 20.74633789 C83.68289879 22.65973904 90.3429883 24.34500766 97.03588867 25.97875977 C104.05927466 27.70954003 111.00297277 29.67542417 117.94433594 31.70825195 C122.0805646 32.9117243 126.21126895 34.05736816 130.40625 35.0390625 C131.15293945 35.21429443 131.89962891 35.38952637 132.66894531 35.57006836 C134.67758851 36.03150724 136.69024487 36.47537764 138.703125 36.91796875 C139.64671875 37.23378906 140.5903125 37.54960938 141.5625 37.875 C142.98544598 42.14383793 141.13342216 44.85955807 139.390625 48.7734375 C139.04163147 49.57834122 138.69263794 50.38324493 138.33306885 51.21253967 C137.5705508 52.96837622 136.80364687 54.72231291 136.03295898 56.47457886 C134.3687382 60.25914976 132.72590237 64.05288235 131.08154297 67.84611511 C130.21707532 69.83960059 129.35149509 71.83260393 128.48486328 73.82514954 C124.33744997 83.36541897 120.27586656 92.9408271 116.23736572 102.52761841 C115.06038586 105.31751133 113.87815987 108.10513164 112.69482422 110.89233398 C109.01790795 119.56814169 105.38825477 128.25726908 101.89801025 137.01011658 C100.30728297 140.99552157 98.69711503 144.97295314 97.08618164 148.95022583 C96.32920679 150.83644869 95.58235683 152.72677116 94.84643555 154.62130737 C87.97820815 172.29622915 87.97820815 172.29622915 80.96044922 175.83374023 C80.16912598 176.17735596 79.37780273 176.52097168 78.5625 176.875 C76.78416047 177.85706059 75.01096202 178.848471 73.2421875 179.84765625 C71.30927873 180.88132848 69.37428695 181.9111127 67.4375 182.9375 C59.3626669 187.26314832 51.33626959 191.65616507 43.375 196.1875 C34.72271321 201.1065324 26.03115235 205.94997435 17.3125 210.75 C16.08324225 211.42706572 14.85399421 212.10414907 13.62475586 212.78125 C11.77654561 213.79921999 9.92831886 214.81715994 8.08003235 215.83499146 C1.52768853 219.443786 -5.02000329 223.06088314 -11.5625 226.6875 C-12.67141602 227.30165771 -13.78033203 227.91581543 -14.92285156 228.54858398 C-22.61602256 232.82390708 -30.24849616 237.19533365 -37.79345703 241.7277832 C-43.11373767 244.875 -43.11373767 244.875 -46.4375 244.875 C-49.61030947 237.14549608 -52.65114733 229.40008988 -55.375 221.5 C-57.6375315 214.9570035 -60.15695624 208.56237553 -62.83178711 202.17797852 C-65.0713496 196.81671373 -67.15269655 191.41145049 -69.16796875 185.96240234 C-71.03159177 180.92988066 -72.97369979 175.93168405 -74.9375 170.9375 C-77.22833637 165.10161937 -79.39067485 159.23816826 -81.4375 153.3125 C-83.67933378 146.83425974 -86.18230686 140.50383398 -88.82983398 134.18164062 C-91.09058528 128.76831062 -93.23778166 123.32292487 -95.22290039 117.80200195 C-96.40538641 114.5262879 -97.65100855 111.36130458 -99.1796875 108.23046875 C-104.79435804 96.26277309 -103.6864307 84.86115521 -102.60723877 71.9407959 C-102.35845877 68.91303323 -102.13158307 65.88368511 -101.90220642 62.85440063 C-101.46735253 57.11804068 -101.02555293 51.38248639 -100.54321289 45.64990234 C-100.41407291 44.11036433 -100.28508374 42.57081367 -100.15625 41.03125 C-100.09348373 40.28227448 -100.03071747 39.53329895 -99.96604919 38.7616272 C-99.44640097 32.38005011 -99.08625662 25.9936752 -98.80456543 19.59729004 C-98.65369688 16.47144322 -98.43293006 13.86129019 -97.4375 10.875 C-79.21991068 7.49332793 -61.00044319 4.12182895 -42.75579834 0.88873291 C-41.30568626 0.63171986 -39.85569205 0.37404076 -38.40582275 0.11566162 C-34.08661551 -0.6532544 -29.76437024 -1.4001139 -25.4375 -2.125 C-24.64698242 -2.26325195 -23.85646484 -2.40150391 -23.04199219 -2.54394531 C-15.07522602 -3.77713025 -7.65202963 -2.12725074 0 0 Z " fill="#FEFEFE" transform="translate(1033.4375,1049.125)"/>
<path d="M0 0 C2.86679674 1.35086333 5.36480222 2.88617524 7.9140625 4.765625 C9.04134766 5.59513672 9.04134766 5.59513672 10.19140625 6.44140625 C10.99449219 7.03824219 11.79757812 7.63507812 12.625 8.25 C13.46675781 8.87261719 14.30851563 9.49523438 15.17578125 10.13671875 C21.60169196 14.91052685 27.92620657 19.8050695 34.22485352 24.74487305 C39.60139353 28.94824324 45.05625174 33.03084044 50.5625 37.0625 C58.70038501 43.02103662 66.73038475 49.10653674 74.7265625 55.25341797 C86.69116034 64.44529221 98.69120816 73.58063918 110.87255859 82.48413086 C112.3070361 83.53373701 113.73550785 84.59162386 115.15649414 85.65942383 C117.11822249 87.12987111 117.11822249 87.12987111 119.83984375 88.68359375 C123.41941132 92.52208122 123.96961558 97.28353908 125.0625 102.3125 C125.57477481 104.5079867 126.08779306 106.70330008 126.6015625 108.8984375 C126.84293945 109.95772461 127.08431641 111.01701172 127.33300781 112.10839844 C129.15649101 120.01371873 131.37939781 127.82069349 133.58984375 135.625 C136.84550483 147.13032869 139.95321533 158.64604498 142.80029297 170.25952148 C144.39551613 176.71726043 146.13540301 183.11514952 148 189.5 C150.267509 197.27378168 152.34624326 205.08199488 154.3125 212.9375 C154.56708984 213.95070313 154.82167969 214.96390625 155.08398438 216.0078125 C156.23460215 220.65417636 157.31776232 225.25644157 158 230 C155.0810671 231.45946645 152.23433935 231.51077932 148.9921875 231.8671875 C148.27507599 231.94744171 147.55796448 232.02769592 146.81912231 232.11038208 C144.50479796 232.36885307 142.18995444 232.62223984 139.875 232.875 C119.04808838 235.16925741 98.27243521 237.83197257 77.49324036 240.51946259 C71.23883653 241.32787987 64.9841302 242.13395506 58.72940826 242.93990707 C53.32647594 243.63637937 47.92383706 244.33500643 42.52172852 245.0378418 C37.22327747 245.72706829 31.92413446 246.41072822 26.62447929 247.09063148 C24.62486374 247.34817038 22.625504 247.60770426 20.62642097 247.86934471 C17.84152574 248.23354109 15.05579785 248.59058914 12.26977539 248.94604492 C11.0564151 249.10728851 11.0564151 249.10728851 9.81854248 249.27178955 C2.65664276 250.17221746 -4.43042099 250.90724506 -11.37866211 248.56640625 C-12.33551407 248.251875 -13.29236603 247.93734375 -14.2782135 247.61328125 C-15.28855148 247.26652344 -16.29888947 246.91976562 -17.33984375 246.5625 C-18.42015366 246.20414063 -19.50046356 245.84578125 -20.61351013 245.4765625 C-22.90849531 244.71492008 -25.20174533 243.94803191 -27.49334717 243.17626953 C-32.1067096 241.62876599 -36.7340097 240.12572977 -41.36196899 238.62255859 C-47.09873668 236.75833082 -52.8301471 234.87774908 -58.5625 233 C-60.95375157 232.21737314 -63.34502752 231.43482076 -65.73632812 230.65234375 C-71.49116499 228.76908237 -77.24570693 226.88492225 -83 225 C-83.11642864 216.50197257 -82.77493649 208.10718727 -82.16015625 199.6328125 C-82.07374374 198.39562469 -81.98733124 197.15843689 -81.89830017 195.88375854 C-81.62360108 191.9638861 -81.3431514 188.0444503 -81.0625 184.125 C-80.87787444 181.50393304 -80.69362651 178.88283946 -80.50976562 176.26171875 C-79.6181426 163.57898188 -79.6181426 163.57898188 -79.234375 158.3966217 C-79.07015867 156.01675715 -78.93064027 153.63511953 -78.80957031 151.25267029 C-78.74165283 150.02403763 -78.67373535 148.79540497 -78.60375977 147.52954102 C-78.55026871 146.42401382 -78.49677765 145.31848663 -78.44166565 144.17945862 C-77.63937696 138.40395014 -74.80276012 133.7700378 -71.875 128.8125 C-71.25117432 127.70737061 -70.62734863 126.60224121 -69.98461914 125.46362305 C-68.66997879 123.13721632 -67.34793608 120.81745459 -66.01123047 118.50390625 C-63.38183544 113.94224777 -60.85269768 109.32587912 -58.31298828 104.71386719 C-53.63245021 96.22528916 -48.88109235 87.77748983 -44.0871582 79.35253906 C-38.66894403 69.82795029 -33.40432039 60.23177296 -28.25 50.5625 C-22.95718698 40.63356533 -17.58948211 30.76467637 -12 21 C-10.9295295 19.12378805 -9.85922976 17.24747867 -8.7890625 15.37109375 C-5.86374789 10.24488884 -2.93351659 5.12151508 0 0 Z " fill="#FEFEFE" transform="translate(888,2725)"/>
<path d="M0 0 C1.43554688 1.86914062 1.43554688 1.86914062 3.21875 4.65625 C4.28996094 6.30367187 4.28996094 6.30367187 5.3828125 7.984375 C5.99721191 8.93183594 5.99721191 8.93183594 6.62402344 9.8984375 C9.31893255 14.01443779 12.08770285 18.08105662 14.84375 22.15625 C16.10300054 24.02204366 17.36211263 25.88793078 18.62109375 27.75390625 C19.91402346 29.66929719 21.20699246 31.5846616 22.5 33.5 C36.7294143 54.57810104 36.7294143 54.57810104 42.82226562 63.74023438 C48.35004686 72.01455445 53.93228839 80.25252155 59.5 88.5 C62.05247135 92.2809883 64.60459382 96.06221152 67.15625 99.84375 C67.76082031 100.7394873 68.36539063 101.63522461 68.98828125 102.55810547 C72.9057251 108.36601932 76.8000557 114.18826904 80.66210938 120.03320312 C81.85223634 121.91455368 81.85223634 121.91455368 83 123 C83.49421006 132.84815314 82.74443343 142.72355633 82.046875 152.54296875 C81.9452757 154.02177996 81.8440487 155.50061679 81.74316406 156.97947693 C81.4738753 160.90648229 81.19829321 164.83302037 80.92100525 168.75946808 C80.74921962 171.19858026 80.57920407 173.63780942 80.40979004 176.0770874 C78.93786664 197.26589771 77.40448048 218.44959026 75.75 239.625 C75.66745972 240.68681488 75.58491943 241.74862976 75.49987793 242.84262085 C75.2685283 245.80418073 75.03359157 248.76542726 74.796875 251.7265625 C74.73040771 252.57423691 74.66394043 253.42191132 74.59545898 254.29527283 C74.22128815 258.89666221 73.70340768 263.43700503 73 268 C64.75057353 267.43219287 56.89571025 265.76361414 48.86425781 263.90649414 C44.86214993 262.98237568 40.85520355 262.07988309 36.84765625 261.1796875 C36.02556671 260.99496887 35.20347717 260.81025024 34.35647583 260.61993408 C26.09738461 258.77691674 17.80401484 257.12611656 9.5 255.5 C-6.09465673 252.43616896 -21.60435592 249.04762302 -37.10650635 245.54832458 C-42.70604575 244.28586471 -48.31090357 243.04887394 -53.91796875 241.8203125 C-56.36480035 241.28266085 -58.81157186 240.7447365 -61.2583313 240.20675659 C-62.81232641 239.86580384 -64.36657941 239.52602396 -65.92111206 239.18753052 C-70.62355063 238.16290643 -75.31530234 237.10310698 -80 236 C-80.97114746 235.77538086 -81.94229492 235.55076172 -82.94287109 235.31933594 C-89.14880085 233.70060383 -93.45194702 230.92609246 -98.375 226.875 C-99.866829 225.69095442 -101.3590174 224.50736153 -102.8515625 223.32421875 C-103.92325684 222.46256104 -103.92325684 222.46256104 -105.01660156 221.58349609 C-107.5518693 219.55940125 -110.1431995 217.61832501 -112.75 215.6875 C-116.48966198 212.89563114 -120.20878942 210.079584 -123.9140625 207.2421875 C-133.825596 199.65402007 -143.7689586 192.15313146 -154 185 C-151.11695166 175.60650432 -147.10484461 166.70036801 -143.18826294 157.70501709 C-142.16018022 155.34317791 -141.13403289 152.9805145 -140.109375 150.6171875 C-139.76474716 149.82255096 -139.42011932 149.02791443 -139.06504822 148.209198 C-136.72910517 142.78690284 -134.52933932 137.32297511 -132.390625 131.8203125 C-126.52873317 116.87817087 -121.63970447 104.45868953 -108 95 C-106.60744232 93.8119438 -105.22945307 92.60632097 -103.875 91.375 C-103.27429688 90.85679687 -102.67359375 90.33859375 -102.0546875 89.8046875 C-99.33075297 87.41218226 -96.66656731 84.95594058 -94 82.5 C-90.09023232 78.8998211 -86.14133397 75.35582277 -82.125 71.875 C-78.84491419 68.98080664 -75.63731943 66.00781108 -72.41967773 63.04467773 C-69.66526572 60.51259884 -66.89257501 58.00964732 -64.0625 55.5625 C-60.4704131 52.45035791 -56.98449863 49.2312604 -53.5 46 C-49.39413693 42.19287245 -45.25871976 38.4368673 -41.0234375 34.7734375 C-38.48498829 32.54861908 -35.99358224 30.27496681 -33.5 28 C-30.38092989 25.15475772 -27.25244609 22.3280042 -24.0625 19.5625 C-20.0968987 16.12019454 -16.23614981 12.56569765 -12.38696289 8.99438477 C-2.64862031 0 -2.64862031 0 0 0 Z " fill="#FEFEFE" transform="translate(748,2303)"/>
<path d="M0 0 C0.8149292 0.0095874 1.6298584 0.0191748 2.46948242 0.02905273 C2.56294946 8.02230782 2.31473053 15.92112133 1.73510742 23.89233398 C1.65712418 25.01488586 1.57914093 26.13743774 1.49879456 27.29400635 C1.33032717 29.71485316 1.16007267 32.13557616 0.9881897 34.55618286 C0.57245102 40.41283356 0.16723614 46.27021014 -0.23715782 52.12765312 C-0.33153903 53.49436859 -0.42606454 54.86107411 -0.52073097 56.22776985 C-1.26696426 67.00828284 -1.9727987 77.79096699 -2.65161133 88.57592773 C-2.69678768 89.29306128 -2.74196404 90.01019482 -2.78850937 90.74905968 C-3.22893338 97.7462704 -3.66579742 104.74369774 -4.09895992 111.74136162 C-4.29756301 114.94280472 -4.49830033 118.14411452 -4.69848633 121.34545898 C-4.80295326 123.05430267 -4.80295326 123.05430267 -4.90953064 124.79766846 C-5.10256257 127.87594443 -5.31273957 130.9524399 -5.53051758 134.02905273 C-5.61928162 135.45226837 -5.61928162 135.45226837 -5.70983887 136.90423584 C-5.77723267 137.78951965 -5.84462646 138.67480347 -5.9140625 139.58691406 C-5.99511482 140.74203239 -5.99511482 140.74203239 -6.07780457 141.92048645 C-6.94119686 145.94184175 -9.75536404 148.41066425 -12.65551758 151.15405273 C-13.85150352 152.35911391 -15.04682226 153.56483764 -16.24145508 154.77124023 C-16.81476563 155.33552734 -17.38807617 155.89981445 -17.97875977 156.48120117 C-19.84011209 158.3378679 -21.57321345 160.28045502 -23.28051758 162.27905273 C-27.29409697 166.92531459 -31.41649906 171.47177296 -35.53051758 176.02905273 C-37.03080437 177.69546125 -38.5308063 179.36212626 -40.03051758 181.02905273 C-49.03051758 191.02905273 -58.03051758 201.02905273 -67.03051758 211.02905273 C-67.77043945 211.85147461 -68.51036133 212.67389648 -69.27270508 213.52124023 C-70.79760002 215.21498168 -72.32367159 216.90766442 -73.85083008 218.59936523 C-77.22964466 222.34469529 -80.59947723 226.09423481 -83.90551758 229.90405273 C-87.35209004 233.86360342 -90.90108141 237.72717498 -94.46557617 241.58032227 C-97.79698796 245.19118004 -100.99410053 248.88925976 -104.09301758 252.70092773 C-105.53051758 254.02905273 -105.53051758 254.02905273 -108.53051758 254.02905273 C-110.53006221 251.97246404 -112.3426561 249.92847177 -114.15551758 247.71655273 C-114.69112305 247.07717773 -115.22672852 246.43780273 -115.77856445 245.77905273 C-117.37277157 243.8705754 -118.95408139 241.95222293 -120.53051758 240.02905273 C-121.31168945 239.07643555 -122.09286133 238.12381836 -122.89770508 237.14233398 C-124.32972088 235.38772122 -125.75937809 233.63118109 -127.18676758 231.87280273 C-129.92353807 228.55218788 -132.72154708 225.28858491 -135.53051758 222.02905273 C-139.83024471 217.03964506 -144.03537167 211.98684118 -148.18676758 206.87280273 C-150.92353807 203.55218788 -153.72154708 200.28858491 -156.53051758 197.02905273 C-160.08504919 192.90437069 -163.598439 188.75697562 -167.03051758 184.52905273 C-171.4176466 179.12829101 -175.9427517 173.85437573 -180.47973633 168.57983398 C-187.52514539 160.3881747 -194.56290928 152.17983779 -201.27661133 143.71264648 C-203.48091988 140.98506865 -203.48091988 140.98506865 -206.06567383 138.62670898 C-215.326825 129.33762071 -216.94822076 117.80159089 -219.74682617 105.37475586 C-220.85520567 100.6429077 -222.20717682 95.99817625 -223.59301758 91.34155273 C-227.37409325 78.39361846 -230.95657727 65.27575302 -233.53051758 52.02905273 C-223.1177998 45.76161527 -212.56009737 39.82958012 -201.85449219 34.07714844 C-192.69575794 29.14596824 -183.63822215 24.04665108 -174.59692383 18.90405273 C-173.72825684 18.42194336 -172.85958984 17.93983398 -171.96459961 17.44311523 C-169.56302204 16.1022372 -169.56302204 16.1022372 -167.5769043 14.61499023 C-159.65509743 9.20594018 -149.78388511 9.64589247 -140.53051758 9.02905273 C-138.51248972 8.87869246 -136.49458803 8.72663052 -134.47680664 8.57299805 C-127.70524375 8.06654328 -120.930694 7.60915525 -114.15551758 7.15405273 C-111.64826375 6.98323409 -109.14102115 6.81225067 -106.63378906 6.64111328 C-92.87063232 5.70569632 -79.1055181 4.80191602 -65.33911133 3.91577148 C-64.63389343 3.87036224 -63.92867554 3.824953 -63.2020874 3.77816772 C-55.66875641 3.29337081 -48.13521115 2.81216958 -40.60131836 2.33618164 C-39.33908951 2.25592239 -38.07686066 2.17566315 -36.77638245 2.0929718 C-34.433801 1.9440724 -32.09114506 1.79633787 -29.74839783 1.65007019 C-23.77299433 1.26932143 -17.81463185 0.80843595 -11.85513306 0.22808838 C-7.89890716 -0.1106472 -3.96567531 -0.046655 0 0 Z " fill="#FEFEFE" transform="translate(896.530517578125,1436.970947265625)"/>
<path d="M0 0 C10.21430922 1.30381985 20.40351543 2.70877973 30.5625 4.39453125 C31.30676743 4.51793884 32.05103485 4.64134644 32.81785583 4.76849365 C36.70762471 5.41764982 40.59371089 6.08400665 44.47680664 6.77197266 C51.30032997 7.96922341 58.00703128 9.0956187 64.93359375 9.50390625 C85.34495786 10.93686092 99.34547923 21.96669474 115.31640625 33.76330566 C118.21790681 35.89462108 121.1698668 37.95268552 124.12060547 40.01489258 C126.06085064 41.37384478 127.9874919 42.75065978 129.9140625 44.12890625 C135.82987732 48.32356937 141.89679448 52.29517304 147.93920898 56.30395508 C158.5045234 63.31877232 169.01596297 70.41234702 179.50708008 77.53759766 C180.94218915 78.51208978 182.37732879 79.4865369 183.8125 80.4609375 C184.51118698 80.93540314 185.20987396 81.40986877 185.92973328 81.89871216 C189.73589902 84.47923267 193.55470231 87.03834196 197.39578247 89.56660461 C199.00204407 90.62425502 200.6043746 91.68786819 202.20654297 92.75170898 C204.09927248 94.0071425 205.99898717 95.25213222 207.90673828 96.48461914 C208.72384277 97.02981201 209.54094727 97.57500488 210.3828125 98.13671875 C211.08809082 98.59780029 211.79336914 99.05888184 212.52001953 99.53393555 C213.00841309 100.01773682 213.49680664 100.50153809 214 101 C214 105.95100615 212.19567705 107.42429597 208.9375 110.75 C207.91467947 111.82747506 206.89254282 112.90559971 205.87109375 113.984375 C205.37335449 114.50451172 204.87561523 115.02464844 204.36279297 115.56054688 C202.68829004 117.32924434 201.08719905 119.15279524 199.5 121 C196.56155935 124.39050844 193.53883698 127.69966982 190.5 131 C186.8558306 134.95859723 183.26086221 138.95176832 179.734375 143.015625 C175.44320048 147.9253472 171.04197892 152.73874818 166.671875 157.578125 C163.29614978 161.32127609 159.92862565 165.06796472 156.625 168.875 C153.17148439 172.84252724 149.6099606 176.7084764 146.04736328 180.57763672 C143.49474237 183.35458682 140.97031795 186.14963313 138.5 189 C134.26438354 193.88724976 129.89144585 198.66358057 125.43945312 203.35473633 C123.93158499 205.00990135 123.93158499 205.00990135 122.60742188 207.05737305 C119.08318092 211.94330318 116.2181064 213.59200631 110.28125 214.76953125 C107.68609971 215.15113176 105.10232294 215.49664578 102.5 215.8125 C101.12512975 216.00543561 99.75077401 216.20207264 98.37695312 216.40234375 C95.79060831 216.77858293 93.20496105 217.13366767 90.61328125 217.47387695 C85.76739786 218.17947687 81.01141627 219.1833223 76.21875 220.1875 C69.17272336 221.59670533 62.06102893 222.66928478 54.97119141 223.83300781 C44.70804315 225.51768935 44.70804315 225.51768935 34.5 227.5 C26.37621214 229.20212698 18.18176169 230.48704317 9.99234009 231.82897949 C1.58143552 233.2086667 -6.7746006 234.6959714 -15.1171875 236.44140625 C-19.06826597 237.20699463 -22.99251702 237.64846641 -27 238 C-28.10719015 224.27404605 -28.47654879 210.52087045 -28.90911031 196.76051974 C-28.99507536 194.0354011 -29.0826635 191.3103355 -29.17022032 188.5852676 C-29.37732727 182.13821788 -29.5817511 175.69108702 -29.78442383 169.24389648 C-29.99148142 162.65864329 -30.20297539 156.0735434 -30.41671187 149.48850387 C-30.6018921 143.77843141 -30.78427754 138.06827407 -30.96453851 132.35804421 C-31.07142885 128.97273252 -31.1795649 125.58747458 -31.28978157 122.2022686 C-31.52666995 114.90076154 -31.74011522 107.59942974 -31.91454124 100.29615211 C-31.97049802 98.13789397 -32.03560961 95.97984911 -32.11092567 93.82217979 C-32.51734536 82.12458575 -32.40329358 72.57441277 -27.28515625 61.77734375 C-26.79599228 60.65969131 -26.30682831 59.54203888 -25.80284119 58.39051819 C-24.2599784 54.88809991 -22.6635862 51.41362252 -21.0625 47.9375 C-20.02684633 45.61560247 -18.9949261 43.29203599 -17.96679688 40.96679688 C-15.96358748 36.44914174 -13.94051779 31.94135103 -11.89892578 27.44091797 C-7.78908038 18.35569917 -3.88904464 9.18139083 0 0 Z " fill="#FEFEFE" transform="translate(1333,744)"/>
<path d="M0 0 C18.57737367 9.16066512 36.99103183 18.66666811 55.1875 28.5625 C56.06486816 29.03848633 56.94223633 29.51447266 57.84619141 30.00488281 C60.24235267 31.31696645 62.62098247 32.6571722 65 34 C65.69867187 34.36641602 66.39734375 34.73283203 67.1171875 35.11035156 C73.11845366 38.46212256 76.6353416 43.11718845 80.625 48.625 C81.3159375 49.55505859 82.006875 50.48511719 82.71875 51.44335938 C84.82603959 54.28588462 86.91444808 57.14150229 89 60 C90.19434092 61.62311121 91.38960112 63.24554652 92.5859375 64.8671875 C94.29648384 67.18700953 96.00567112 69.50773806 97.70947266 71.83251953 C102.07031175 77.77553364 106.51981599 83.64657952 111 89.5 C116.06651732 96.11947282 121.07426164 102.77509458 126 109.5 C131.63008989 117.1847908 137.37198387 124.77828805 143.15771484 132.34643555 C148.69651827 139.5923488 154.19424332 146.86816746 159.63769531 154.18603516 C160.6369507 155.5165849 161.64852057 156.83790985 162.66699219 158.15380859 C163.21774414 158.87004395 163.76849609 159.5862793 164.3359375 160.32421875 C164.84431152 160.97865967 165.35268555 161.63310059 165.87646484 162.30737305 C167 164 167 164 167 166 C166.39341553 166.32572998 165.78683105 166.65145996 165.16186523 166.98706055 C153.03723352 173.50591205 140.96824404 180.10598074 129.00170898 186.91088867 C121.20300761 191.33856826 113.35802344 195.67894036 105.5 200 C97.72989339 204.27347633 89.96772766 208.5582601 82.25634766 212.93725586 C80.42591958 213.97503886 78.59226791 215.00715756 76.75537109 216.03344727 C71.98772211 218.70218106 67.27147663 221.43012881 62.61219788 224.28286743 C38.32171206 239.10635964 38.32171206 239.10635964 28.22338867 236.80175781 C26.87508879 236.4303837 25.53291086 236.0361699 24.19726562 235.62158203 C19.86450066 234.39589096 15.38099632 233.87521437 10.9375 233.1875 C8.88360637 232.84023212 6.83023629 232.4898565 4.77734375 232.13671875 C-2.80377801 230.85122909 -10.40120269 229.67507291 -18 228.5 C-27.42768537 227.04111366 -36.84523566 225.53886895 -46.25 223.9375 C-54.93973674 222.46153465 -63.64673907 221.16446479 -72.375 219.9375 C-80.49063412 218.79645595 -88.59988084 217.63943977 -96.6875 216.3125 C-97.42983887 216.19318115 -98.17217773 216.0738623 -98.93701172 215.95092773 C-103.87819892 215.12180108 -103.87819892 215.12180108 -105 214 C-104.56131549 208.22080843 -103.2595654 203.24443648 -101.3125 197.8125 C-98.96354103 191.03366817 -96.86584444 184.22255769 -94.9375 177.3125 C-93.26058944 171.31966863 -91.51430237 165.38845582 -89.5 159.5 C-87.65118557 154.0806627 -86.02975003 148.64194092 -84.5 143.125 C-80.2037578 127.71537477 -75.18698034 112.51583224 -70.31806946 97.28016663 C-68.18905652 90.61192579 -66.09669643 83.93275505 -64.02001953 77.24804688 C-60.8072792 67.01772198 -55.77112558 61.06306273 -48.39208984 53.45263672 C-46.69923375 51.68615236 -45.09115199 49.85830837 -43.5 48 C-40.41102693 44.42648214 -37.21157787 40.96288886 -34 37.5 C-30.21115843 33.41431269 -26.47828053 29.29606631 -22.83203125 25.08203125 C-20.00718567 21.87170568 -17.10461443 18.73295484 -14.20922852 15.58642578 C-10.33452382 11.37347979 -6.5001056 7.12556265 -2.6796875 2.86328125 C-1.80442539 1.89235095 -0.92433473 0.92433473 0 0 Z " fill="#FEFEFE" transform="translate(1815,576)"/>
<path d="M0 0 C5.69588249 25.16043767 11.05625519 50.3832723 16.26690674 75.64842224 C17.47586072 81.50032989 18.71026566 87.34606228 19.96875 93.1875 C20.256603 94.53453205 20.54421138 95.8816164 20.83154297 97.22875977 C21.33897908 99.60059421 21.85299371 101.97103687 22.37548828 104.33959961 C24.9313958 116.37719053 23.41886916 125.77494795 20.5 137.625 C20.1142108 139.22270948 19.72889256 140.82053273 19.34399414 142.41845703 C12.8191944 169.34075944 5.87044699 196.16425144 -1 223 C-12.84151316 223.26388955 -24.68308705 223.52485583 -36.52474213 223.78230286 C-42.02596641 223.90199121 -47.52716676 224.02260816 -53.02832031 224.14550781 C-58.35811032 224.26454222 -63.68795271 224.38092802 -69.01783752 224.49563599 C-71.02993249 224.53937479 -73.04200851 224.58399634 -75.05406189 224.62960815 C-80.72559422 224.7578483 -86.39693106 224.86665349 -92.06928825 224.95113945 C-94.10461535 224.98507223 -96.139829 225.02627913 -98.17489815 225.07319832 C-101.39591584 225.14595031 -104.61662638 225.19522192 -107.83813477 225.24047852 C-108.81480103 225.26740532 -109.79146729 225.29433212 -110.79772949 225.32207489 C-120.98442723 225.41684011 -128.64311294 221.68471419 -137.4375 216.9375 C-139.06727168 216.10549938 -140.69983453 215.27894657 -142.33496094 214.45751953 C-145.64689554 212.79091094 -148.94815491 211.10559162 -152.24365234 209.40673828 C-158.63979234 206.13752092 -165.17523329 203.19517391 -171.7354126 200.27325439 C-175.07301986 198.78509837 -178.40209791 197.27820999 -181.73046875 195.76953125 C-182.72113342 195.32072601 -182.72113342 195.32072601 -183.73181152 194.862854 C-197.22638308 188.73186979 -210.60580422 182.34647438 -224 176 C-222.68058998 172.45334709 -221.11113159 169.36911336 -219.0859375 166.17578125 C-218.49780273 165.24258057 -217.90966797 164.30937988 -217.30371094 163.34790039 C-216.66723633 162.34621826 -216.03076172 161.34453613 -215.375 160.3125 C-214.01211427 158.15161318 -212.65016753 155.9901339 -211.2890625 153.828125 C-210.9374707 153.2703688 -210.58587891 152.71261261 -210.22363281 152.13795471 C-206.34605092 145.97871331 -202.55030924 139.76962617 -198.75 133.5625 C-193.97292757 125.77445199 -189.13576252 118.03829078 -184.14038086 110.38867188 C-176.08527537 98.02966408 -168.35131716 85.46088478 -160.625 72.89453125 C-160.08234749 72.01194389 -160.08234749 72.01194389 -159.5287323 71.11152649 C-157.77630758 68.2601173 -156.02617374 65.40734408 -154.27856445 62.55297852 C-153.646521 61.52229248 -153.01447754 60.49160645 -152.36328125 59.4296875 C-151.80938721 58.52460449 -151.25549316 57.61952148 -150.68481445 56.68701172 C-150.12882568 55.80029785 -149.57283691 54.91358398 -149 54 C-148.44064758 53.0110524 -147.88129517 52.0221048 -147.30499268 51.00318909 C-144.5430306 47.40461176 -142.70937235 46.66320389 -138.43530273 45.26196289 C-137.78119226 45.04105012 -137.12708179 44.82013735 -136.4531498 44.59253025 C-134.28601523 43.8660097 -132.11041324 43.16956485 -129.93359375 42.47265625 C-128.39604953 41.9632823 -126.8591496 41.45195993 -125.32286072 40.93881226 C-122.06066642 39.85336827 -118.79464441 38.78077659 -115.52484131 37.71847534 C-110.42400395 36.06119133 -105.33253739 34.37643977 -100.24267578 32.68579102 C-95.17973787 31.00513214 -90.11651065 29.32545251 -85.05004883 27.65544128 C-72.1084565 23.38797788 -59.22598966 18.97118247 -46.375 14.4375 C-43.10077162 13.28760315 -39.82580201 12.13982535 -36.55078125 10.9921875 C-35.81152405 10.73290466 -35.07226685 10.47362183 -34.31060791 10.20648193 C-27.40733645 7.78725032 -20.49307398 5.40259042 -13.5625 3.0625 C-12.61358887 2.73757568 -11.66467773 2.41265137 -10.68701172 2.07788086 C-9.84283691 1.79565674 -8.99866211 1.51343262 -8.12890625 1.22265625 C-7.41806885 0.98297119 -6.70723145 0.74328613 -5.97485352 0.49633789 C-4 0 -4 0 0 0 Z " fill="#FEFEFE" transform="translate(3033,3060)"/>
<path d="M0 0 C0.69351563 0.69480469 1.38703125 1.38960937 2.1015625 2.10546875 C4.08957419 4.09417995 6.08546277 6.07461136 8.0859375 8.05078125 C9.18232437 9.13798785 10.27867808 10.2252279 11.375 11.3125 C11.91382812 11.84294922 12.45265625 12.37339844 13.0078125 12.91992188 C16.57027981 16.46118402 19.90680727 20.14126294 23.19189453 23.94018555 C26.28506647 27.46396244 29.52441012 30.84789703 32.75 34.25 C33.44520752 34.99233887 34.14041504 35.73467773 34.85668945 36.49951172 C37.95449576 39.80569705 41.0573005 43.08619596 44.30859375 46.2421875 C50.8969784 52.75248759 54.09262062 58.9295456 56.40281677 67.79075623 C59.05946446 77.61886609 62.369096 87.27571921 65.56016541 96.94085693 C66.30211451 99.18819796 67.04241695 101.43607601 67.78234863 103.68408203 C69.35350123 108.45651582 70.92659552 113.22830823 72.5 118 C74.32661382 123.53960423 76.15237886 129.07948535 77.97605896 134.62005615 C78.69724511 136.80970726 79.41993112 138.99885926 80.1427002 141.18798828 C82.54820097 148.48717856 84.88557008 155.80279685 87.12753296 163.15423584 C88.27302415 166.8905349 89.473767 170.60702966 90.69140625 174.3203125 C91.16610592 175.77731434 91.64071257 177.23434648 92.11523438 178.69140625 C92.84029234 180.91393589 93.56616453 183.13619059 94.29370117 185.35791016 C97.07399905 193.85456016 99.7773575 202.33577784 102 211 C99.84110127 213.15889873 95.43446966 213.01203473 92.453125 213.48828125 C91.57211121 213.63275192 90.69109741 213.7772226 89.78338623 213.92607117 C86.93953428 214.39204702 84.09486087 214.85272694 81.25 215.3125 C69.44110119 217.22630588 57.65957495 219.21083288 45.91400146 221.48396301 C39.56642667 222.71028494 33.2098924 223.87412025 26.84375 225 C25.91093201 225.16497482 24.97811401 225.32994965 24.01702881 225.49992371 C20.2305444 226.1682048 16.44363459 226.83405773 12.65673828 227.5 C-9.76270797 231.43862008 -9.76270797 231.43862008 -32.09179688 235.85473633 C-43.82849512 238.11831583 -52.37517478 231.55940179 -62.07666016 225.71826172 C-66.84827539 222.91363269 -71.76495224 220.40207011 -76.6875 217.875 C-78.62540695 216.86927333 -80.56291295 215.86277368 -82.5 214.85546875 C-83.43070313 214.37255371 -84.36140625 213.88963867 -85.3203125 213.39208984 C-97.7401118 206.94004032 -110.08558548 200.35195873 -122.41345215 193.72628784 C-132.26145112 188.43583634 -142.15619326 183.24344812 -152.09423828 178.1237793 C-153.06216309 177.62402588 -154.03008789 177.12427246 -155.02734375 176.609375 C-156.29179321 175.9592041 -156.29179321 175.9592041 -157.58178711 175.29589844 C-160.10679609 173.94276894 -162.5554361 172.49285512 -165 171 C-163.69302984 168.24678614 -162.24417133 165.80366726 -160.453125 163.33984375 C-159.94523437 162.63859375 -159.43734375 161.93734375 -158.9140625 161.21484375 C-158.09035156 160.08755859 -158.09035156 160.08755859 -157.25 158.9375 C-156.67507812 158.14601563 -156.10015625 157.35453125 -155.5078125 156.5390625 C-150.78023966 150.04120805 -146.00991993 143.574866 -141.2355957 137.11132812 C-135.09226161 128.78749752 -129.0429375 120.39685107 -123 112 C-116.31773925 102.71478923 -109.61110993 93.45050301 -102.8125 84.25 C-98.00937916 77.74934859 -93.26564338 71.21208137 -88.58203125 64.625 C-85.44673882 60.21689104 -82.28757336 55.82606186 -79.125 51.4375 C-78.57706787 50.67493896 -78.02913574 49.91237793 -77.46459961 49.12670898 C-76.43261852 47.69588847 -75.39321755 46.27038191 -74.34545898 44.85107422 C-73.27922256 43.38415269 -72.27441763 41.87260772 -71.29296875 40.34765625 C-67.56117677 36.52686071 -62.90008846 34.43356196 -58.1875 32 C-56.00548974 30.84698158 -53.82452501 29.69198271 -51.64453125 28.53515625 C-50.5354541 27.94879395 -49.42637695 27.36243164 -48.28369141 26.75830078 C-43.26476445 24.07084265 -38.31931164 21.25922778 -33.375 18.4375 C-22.32615728 12.15056097 -11.18026066 6.0495818 0 0 Z " fill="#FEFEFE" transform="translate(2322,572)"/>
<path d="M0 0 C0.85514952 1.87918395 1.71017299 3.75842533 2.56469727 5.63789368 C3.33327711 7.32807262 4.1024186 9.01799626 4.87207031 10.70768738 C7.03274246 15.45760119 9.17572746 20.21446881 11.2902832 24.98510742 C16.3203483 36.51084321 16.3203483 36.51084321 22.08129883 47.67831421 C31.26947949 64.15073132 32.74716976 77.40160285 32.39453125 95.9609375 C32.37002849 98.2937354 32.34773885 100.62655745 32.32751465 102.95939636 C32.26668234 109.07868802 32.17083564 115.19687777 32.06332779 121.3155098 C32.0011557 124.93275995 31.94647075 128.55003823 31.8946228 132.16744995 C31.67552031 147.37178621 31.38922559 162.57420157 31.07287598 177.77679443 C30.94830611 183.82051945 30.82994844 189.86436655 30.7109375 195.90820312 C30.4797502 207.60558983 30.24216301 219.3028357 30 231 C20.68587686 229.93426055 11.38749607 228.84546923 2.12109375 227.4140625 C1.18104996 227.27100677 0.24100616 227.12795105 -0.7275238 226.9805603 C-2.69103687 226.6811253 -4.65434059 226.38031435 -6.61743164 226.078125 C-9.53415214 225.62936157 -12.45157386 225.18541196 -15.36914062 224.7421875 C-26.19050798 223.09092144 -36.99279804 221.34625692 -47.78733826 219.52825928 C-55.27950495 218.27225263 -62.78089952 217.08598446 -70.2890625 215.9296875 C-71.38808395 215.75998444 -72.48710541 215.59028137 -73.61943054 215.41543579 C-78.10453396 214.72350779 -82.5897938 214.03274152 -87.07617188 213.34912109 C-90.41871111 212.83900899 -93.76019052 212.32238262 -97.1015625 211.8046875 C-98.11086823 211.65256805 -99.12017395 211.50044861 -100.1600647 211.34371948 C-113.24121622 209.30341687 -113.24121622 209.30341687 -117.40234375 205.0234375 C-117.97911865 204.43892822 -118.55589355 203.85441895 -119.15014648 203.25219727 C-120.03488647 202.32298462 -120.03488647 202.32298462 -120.9375 201.375 C-121.5550415 200.74198975 -122.17258301 200.10897949 -122.80883789 199.45678711 C-126.49696396 195.65168598 -130.0703152 191.76662041 -133.49609375 187.72265625 C-135.62717486 185.28159971 -137.9432209 183.04685876 -140.25390625 180.77734375 C-142.06477643 178.93406426 -143.75321354 177.02177201 -145.4375 175.0625 C-147.85617779 172.25423653 -150.35899683 169.60029407 -153 167 C-156.27202128 163.7784145 -159.29316055 160.41407855 -162.28515625 156.93359375 C-164.5004738 154.43568444 -166.8689817 152.11975011 -169.25 149.78125 C-171.70634849 147.28103815 -173.96309368 144.62319484 -176.25 141.96875 C-177.93798286 140.06976929 -179.68769734 138.27994012 -181.5 136.5 C-183.93389732 134.10946833 -186.21355559 131.64953738 -188.4375 129.0625 C-191.47197227 125.53925368 -194.69960845 122.28019129 -198.01171875 119.01953125 C-200.61925194 116.37101522 -203.04417483 113.5872252 -205.45703125 110.76171875 C-206.91080366 109.10184189 -208.42141586 107.54066019 -210 106 C-208.79529446 102.38588337 -207.77431623 101.87632304 -204.6796875 99.76953125 C-203.76356689 99.13966309 -202.84744629 98.50979492 -201.90356445 97.86083984 C-200.90413818 97.1848877 -199.90471191 96.50893555 -198.875 95.8125 C-196.76158307 94.36347912 -194.64830567 92.91425472 -192.53515625 91.46484375 C-191.4486377 90.72347168 -190.36211914 89.98209961 -189.24267578 89.21826172 C-184.24552557 85.7997926 -179.27937656 82.33723753 -174.3125 78.875 C-172.39194382 77.53903843 -170.47137105 76.20310073 -168.55078125 74.8671875 C-162.54509257 70.6857879 -156.55073079 66.48831579 -150.55786133 62.28857422 C-144.21475708 57.84532176 -137.85921113 53.42016257 -131.5 49 C-125.08968061 44.54394847 -118.68138355 40.08515426 -112.28686523 35.60644531 C-110.64873542 34.46015852 -109.00894427 33.31624193 -107.36743164 32.17480469 C-103.09928545 29.20142213 -98.87562269 26.18184132 -94.6953125 23.0859375 C-93.37503052 22.12324951 -93.37503052 22.12324951 -92.02807617 21.14111328 C-90.36026451 19.92361548 -88.70314627 18.69126079 -87.05981445 17.44091797 C-83.08874549 14.56559083 -79.80836451 12.72093611 -74.92993164 11.95800781 C-73.96374405 11.79951355 -72.99755646 11.64101929 -72.00209045 11.47772217 C-71.0114006 11.32007385 -70.02071075 11.16242554 -69 11 C-67.11119256 10.66389609 -65.22316329 10.32338979 -63.3359375 9.97851562 C-61.34897546 9.62099853 -59.36199565 9.26358023 -57.375 8.90625 C-56.30685059 8.71405884 -55.23870117 8.52186768 -54.13818359 8.32385254 C-49.62144601 7.5111632 -45.10466646 6.69870718 -40.58789062 5.88623047 C-37.26691241 5.28881849 -33.94595579 4.69128659 -30.625 4.09375 C-29.62259277 3.91348267 -28.62018555 3.73321533 -27.58740234 3.54748535 C-26.6227002 3.37390503 -25.65799805 3.20032471 -24.6640625 3.02148438 C-23.7246582 2.85414795 -22.78525391 2.68681152 -21.81738281 2.5144043 C-19.91281799 2.16666443 -18.01108459 1.80310316 -16.11230469 1.42504883 C-10.62381904 0.35029119 -5.59318303 -0.21106351 0 0 Z " fill="#FEFEFE" transform="translate(2801,735)"/>
<path d="M0 0 C5.46831591 0.61332353 10.36430349 1.92983608 15.57128906 3.68041992 C16.4001059 3.95378174 17.22892273 4.22714355 18.08285522 4.50878906 C20.81230537 5.41050185 23.53892098 6.32048924 26.265625 7.23046875 C28.18290203 7.86540606 30.10036549 8.49978065 32.01800537 9.13362122 C37.06925606 10.8047003 42.11820647 12.48262154 47.16662598 14.16223145 C54.22697452 16.50990425 61.29033162 18.848511 68.35345459 21.18782043 C72.1064519 22.43081948 75.85855704 23.67645294 79.60992432 24.92436218 C88.17818162 27.77121879 96.75586824 30.58336951 105.36352539 33.30908203 C106.13045086 33.55241366 106.89737633 33.7957453 107.68754196 34.04645061 C112.11723787 35.44085695 116.56094332 36.73348057 121.04296875 37.94921875 C122.07357422 38.24119141 123.10417969 38.53316406 124.16601562 38.83398438 C126.21523231 39.41285166 128.27319628 39.96144816 130.33789062 40.48242188 C139.09766344 43.05425118 142.31159982 47.41351559 147 55 C147.8554776 56.28870683 148.71726061 57.57324302 149.58422852 58.85424805 C152.09797207 62.5685513 154.58196215 66.30162207 157.05847168 70.04083252 C159.90697511 74.34090939 162.76392761 78.63536342 165.62109375 82.9296875 C166.21830231 83.82746918 166.81551086 84.72525085 167.43081665 85.65023804 C175.48864891 97.7526042 183.63393092 109.79610306 191.77612305 121.84179688 C192.91854644 123.53249167 194.06088149 125.22324617 195.203125 126.9140625 C195.7575679 127.73461121 196.3120108 128.55515991 196.883255 129.40057373 C201.71702097 136.56275492 206.50929737 143.75233252 211.28253174 150.95498657 C211.82705994 151.7746994 212.37158813 152.59441223 212.93261719 153.43896484 C213.44739624 154.21600769 213.96217529 154.99305054 214.49255371 155.79364014 C215.92319938 157.88759148 217.4315224 159.89804184 218.96582031 161.91650391 C219.63709961 162.93405762 220.30837891 163.95161133 221 165 C220 168 220 168 218.48764038 169.04119873 C217.83220245 169.35599182 217.17676453 169.67078491 216.50146484 169.99511719 C215.75054565 170.36197128 214.99962646 170.72882538 214.22595215 171.10679626 C213.39599731 171.49952225 212.56604248 171.89224823 211.7109375 172.296875 C210.8408606 172.71864517 209.97078369 173.14041534 209.07434082 173.57496643 C206.17897677 174.9760029 203.27703304 176.36283706 200.375 177.75 C198.35251099 178.72573707 196.33054557 179.70256011 194.30908203 180.68041992 C190.05555342 182.73724504 185.79986636 184.78951307 181.54296875 186.83935547 C175.08886654 189.95177336 168.65140368 193.09743695 162.21875 196.25390625 C161.17981598 196.76361969 160.14088196 197.27333313 159.07046509 197.79849243 C156.00514175 199.30281903 152.94004548 200.80760736 149.875 202.3125 C146.10248302 204.16464501 142.32897504 206.01474722 138.5546875 207.86328125 C137.76743286 208.25012589 136.98017822 208.63697052 136.16906738 209.03553772 C134.48823272 209.85829127 132.79913107 210.66427779 131.10401917 211.4571991 C128.68772046 212.65818003 126.41845133 213.92220141 124.10093689 215.29243469 C109.95657861 223.28196974 96.83142191 223.17790351 80.89453125 222.87890625 C78.23118888 222.8620807 75.56806602 222.84884476 72.90470886 222.84031677 C66.66434908 222.81261596 60.42545026 222.73914539 54.18572682 222.64817137 C47.06833851 222.54670881 39.9508712 222.49787639 32.83293688 222.45291245 C18.22121279 222.35945971 3.61062688 222.20170568 -11 222 C-11.46055786 220.23293701 -11.46055786 220.23293701 -11.93041992 218.43017578 C-13.09385787 213.96788562 -14.25919731 209.50609372 -15.42504883 205.04443359 C-15.92489902 203.13050193 -16.42426525 201.21644379 -16.9230957 199.30224609 C-17.64920998 196.51624871 -18.37698685 193.73069168 -19.10546875 190.9453125 C-19.34510849 190.02702164 -19.58474823 189.10873077 -19.83164978 188.16261292 C-21.0038161 183.6955381 -22.20477994 179.2402913 -23.47680664 174.80053711 C-23.70970901 173.98451019 -23.94261139 173.16848328 -24.18257141 172.32772827 C-24.61930341 170.80803284 -25.0621325 169.29007013 -25.51237488 167.77432251 C-27.34425542 161.40350413 -27.19938027 156.44218027 -26 150 C-25.7073083 148.23866638 -25.41719844 146.47690282 -25.12890625 144.71484375 C-23.68335973 136.03795434 -22.08376903 127.39073478 -20.4375 118.75 C-19.39463804 113.26242691 -18.47357426 107.76982362 -17.625 102.25 C-16.4312985 94.49810248 -15.08441176 86.78023245 -13.6875 79.0625 C-10.41070202 60.93467271 -7.42803475 42.75789874 -4.4375 24.58105469 C-3.48068388 18.79085636 -2.47413733 13.01486312 -1.375 7.25 C-1.2409375 6.54101562 -1.106875 5.83203125 -0.96875 5.1015625 C-0.64698842 3.40082273 -0.32367573 1.70037652 0 0 Z " fill="#FEFEFE" transform="translate(1160,3079)"/>
<path d="M0 0 C3.18823658 -0.05517607 6.37626931 -0.09376801 9.56478691 -0.1283226 C10.96995866 -0.15815735 10.96995866 -0.15815735 12.40351772 -0.18859482 C19.55119097 -0.23785968 24.15001531 1.16656236 29.41586113 6.18466568 C30.54991386 7.13212662 30.54991386 7.13212662 31.70687675 8.09872818 C33.26942564 9.40582301 34.81430159 10.73435439 36.34017754 12.08407974 C39.9628118 15.24636199 43.7892392 18.13416229 47.60336113 21.05966568 C49.09337043 22.22578827 50.5829527 23.3924567 52.07211113 24.55966568 C56.68546423 28.1478292 61.38500423 31.61133959 66.10336113 35.05966568 C72.35216431 39.62649084 78.51410719 44.28215881 84.60336113 49.05966568 C91.58310877 54.53536254 98.67304841 59.83882395 105.83187675 65.07773209 C110.46776291 68.47385532 115.06279525 71.91214536 119.60336113 75.43466568 C125.18704642 79.76399291 130.86256941 83.94102152 136.60336113 88.05966568 C135.02499411 91.78448157 132.71102724 94.31588402 129.96053886 97.25766373 C129.47946647 97.77435214 128.99839407 98.29104055 128.50274372 98.82338619 C127.4406239 99.96306064 126.3764607 101.10083325 125.31055641 102.23696899 C123.55267022 104.11378611 121.8042958 105.99910026 120.05749321 107.88623428 C112.14405404 116.42000418 104.12913395 124.85123918 96.03444576 133.21326542 C91.9584987 137.42800673 87.9141063 141.66490606 83.93465996 145.97104263 C62.58843813 169.01996681 43.99727768 183.29006869 13.25306225 191.04685688 C4.61850894 193.22603166 -3.69633636 196.16979548 -12.05795097 199.21394062 C-17.73272923 201.26607515 -23.43918791 203.23022025 -29.13882637 205.21200943 C-32.96798665 206.54876914 -36.7815511 207.92427761 -40.59195137 209.31357193 C-41.63117744 209.68748062 -42.67040352 210.06138931 -43.74112129 210.44662857 C-45.76308629 211.17424231 -47.78167349 211.91133043 -49.79629707 212.65903091 C-50.7149958 212.98717789 -51.63369453 213.31532486 -52.58023262 213.65341568 C-53.79537544 214.09717545 -53.79537544 214.09717545 -55.0350666 214.54990005 C-58.04428538 215.19946573 -59.51751472 215.22403797 -62.39663887 214.05966568 C-64.27138437 211.80495768 -65.79431723 209.69698557 -67.34585762 207.23544693 C-67.80337914 206.53759583 -68.26090065 205.83974472 -68.73228645 205.12074661 C-70.19733212 202.88023049 -71.64128919 200.6270254 -73.08413887 198.37216568 C-74.97869225 195.44820926 -76.8810735 192.52937775 -78.78335762 189.61044693 C-79.24994286 188.89140686 -79.71652809 188.17236679 -80.19725227 187.43153763 C-85.38547673 179.46954129 -90.94182099 171.79094827 -96.54483223 164.11777115 C-102.98226476 155.13926995 -103.80013182 145.10667408 -105.3758564 134.48083878 C-107.24935902 121.86735298 -109.25149596 109.2753711 -111.27163887 96.68466568 C-111.44716286 95.58816696 -111.62268684 94.49166824 -111.80352974 93.36194229 C-114.03575503 79.41835757 -116.31274054 65.4840226 -118.66470528 51.56015396 C-120.49289939 40.65499948 -122.1501287 29.72523822 -123.78604317 18.78989029 C-123.88662529 18.11759888 -123.98720741 17.44530746 -124.09083748 16.75264359 C-124.36255927 14.93323494 -124.6330615 13.11364427 -124.90347481 11.29404068 C-125.37360114 8.2107567 -125.88083267 5.13558035 -126.39663887 2.05966568 C-110.75669541 1.79655796 -95.11671626 1.53568712 -79.47669315 1.27736282 C-72.21211645 1.15732451 -64.94755247 1.03659831 -57.68301582 0.91415787 C-51.33927659 0.80723889 -44.99551592 0.7017071 -38.65172774 0.59773159 C-35.30364351 0.54281049 -31.95557846 0.48706224 -28.60752869 0.43005753 C-21.33096355 0.30639362 -14.05445309 0.19509089 -6.77739334 0.10483551 C-4.51819361 0.07465063 -2.25905286 0.03968274 0 0 Z " fill="#FEFEFE" transform="translate(1658.3966388702393,3320.9403343200684)"/>
<path d="M0 0 C1.78627808 0.28520508 1.78627808 0.28520508 3.60864258 0.57617188 C7.14397909 1.14607376 10.67349376 1.7468169 14.20248413 2.35464478 C29.31877412 4.95584736 44.45864547 7.30883806 59.6484375 9.43847656 C60.33960159 9.53688339 61.03076569 9.63529022 61.74287415 9.73667908 C63.60700972 10.00196195 65.4718185 10.26250206 67.33666992 10.52270508 C70 11 70 11 71 12 C71.26610953 13.81498882 71.46969321 15.63917971 71.6484375 17.46484375 C71.76533936 18.64079102 71.88224121 19.81673828 72.00268555 21.02832031 C72.12554932 22.31834961 72.24841309 23.60837891 72.375 24.9375 C72.50485553 26.28093499 72.63482167 27.62435929 72.76489258 28.96777344 C73.04004725 31.8250279 73.31112922 34.68263642 73.57958984 37.54052734 C73.85903221 40.5152864 74.14333852 43.48951296 74.43212891 46.46337891 C74.79189424 50.17225407 75.14210372 53.88192725 75.48590088 57.59231567 C75.61760954 59.00197315 75.75189725 60.41139269 75.88909912 61.82052612 C76.34658058 66.54302313 76.70763766 71.26452146 77 76 C77.07595398 77.07276688 77.07595398 77.07276688 77.15344238 78.16720581 C77.96075429 90.72187442 75.50347186 100.45743513 70.875 112.0625 C70.29669505 113.56989838 69.72116772 115.07836534 69.1484375 116.58789062 C68.00353402 119.59854917 66.84551533 122.60368462 65.67944336 125.60620117 C64.08150753 129.75021666 62.58373579 133.92377618 61.12109375 138.1171875 C57.6418262 148.08511581 53.99705722 157.99112221 50.35131836 167.89916992 C49.19828982 171.03317261 48.0472577 174.167903 46.89648438 177.30273438 C42.6567702 188.84155004 38.3809408 200.36591603 34.04032898 211.86720276 C31.52534851 218.54452237 29.10268582 225.24972747 26.76655579 231.99168396 C25.09110076 236.81779849 25.09110076 236.81779849 24 239 C19.70445532 237.67107589 15.83260258 236.01549989 11.84375 233.9453125 C11.26870728 233.64801239 10.69366455 233.35071228 10.10119629 233.04440308 C8.23169022 232.07588758 6.36575734 231.10071494 4.5 230.125 C3.18756382 229.44258558 1.87506306 228.76029535 0.5625 228.078125 C-7.88632962 223.67678359 -16.26713934 219.16144094 -24.609375 214.56103516 C-32.17205851 210.40791674 -39.82672941 206.44320158 -47.5 202.5 C-57.21342142 197.50775612 -66.88667536 192.45613 -76.42407227 187.13232422 C-80.52281669 184.85066027 -84.60918507 182.67916855 -88.88671875 180.75 C-97.63661943 176.73832596 -102.59280116 173.61313657 -106.37109375 164.3203125 C-106.62358887 163.6387207 -106.87608398 162.95712891 -107.13623047 162.25488281 C-108.47839828 158.7511344 -110.04082581 155.35007042 -111.57446289 151.92675781 C-113.00579309 148.72209589 -114.41123255 145.50697726 -115.8125 142.2890625 C-119.31657035 134.25926904 -122.87533108 126.25415262 -126.4375 118.25 C-127.10379866 116.75205181 -127.77005791 115.25408608 -128.4362793 113.75610352 C-129.84975906 110.57804675 -131.26345616 107.40008676 -132.67724609 104.22216797 C-136.5913031 95.42328353 -140.50151994 86.62269161 -144.41238403 77.8223877 C-146.54043018 73.03388332 -148.66865754 68.24545949 -150.796875 63.45703125 C-152.96322374 58.58275403 -152.96322374 58.58275403 -153.97595215 56.29238892 C-154.68920267 54.69573736 -155.41486658 53.10459762 -156.15002441 51.51791382 C-156.51720581 50.71882599 -156.88438721 49.91973816 -157.26269531 49.09643555 C-157.59601868 48.38126266 -157.92934204 47.66608978 -158.27276611 46.929245 C-159 45 -159 45 -159 42 C-145.62893558 37.96592679 -132.25276521 34.00923221 -118.75 30.4375 C-109.6591602 28.03150228 -100.66246506 25.41442264 -91.68261719 22.62475586 C-84.49785505 20.41087533 -77.26774322 18.42233149 -70 16.5 C-61.74247117 14.31328629 -53.5394062 12.01277361 -45.375 9.5 C-43.98728394 9.07557617 -43.98728394 9.07557617 -42.5715332 8.64257812 C-38.65321191 7.44144531 -34.73756874 6.23362214 -30.83056641 4.99609375 C-27.62104924 3.98108937 -24.40499291 2.98938529 -21.1875 2 C-19.72932861 1.52723633 -19.72932861 1.52723633 -18.24169922 1.04492188 C-11.69279664 -0.94364339 -6.70768877 -1.17104708 0 0 Z " fill="#FEFEFE" transform="translate(3132,1032)"/>
<path d="M0 0 C0.77311523 0.2067334 1.54623047 0.4134668 2.34277344 0.62646484 C5.04437408 1.41641583 7.70656373 2.29192119 10.375 3.1875 C11.42389404 3.53135742 12.47278809 3.87521484 13.5534668 4.22949219 C15.97437615 5.02327749 18.39413589 5.82057403 20.81298828 6.62060547 C25.51388828 8.17306537 30.22366381 9.69785463 34.93359375 11.22265625 C54.06680016 17.42166052 73.17786138 23.68257747 92.24145508 30.09277344 C99.52450875 32.53760276 106.82705244 34.88907706 114.17773438 37.12451172 C117.76318632 38.23674621 121.28456724 39.46711536 124.8125 40.75 C125.99457031 41.17796875 127.17664062 41.6059375 128.39453125 42.046875 C129.68423828 42.51867188 129.68423828 42.51867188 131 43 C129.66438858 47.26653647 128.03881667 51.20676343 126.078125 55.22265625 C125.78601639 55.8235054 125.49390778 56.42435455 125.19294739 57.04341125 C124.2155221 59.05152973 123.23276607 61.05699054 122.25 63.0625 C121.54452981 64.50912588 120.83937936 65.95590771 120.13452148 67.40283203 C118.18290724 71.40626744 116.22632781 75.40725712 114.26849365 79.40765381 C112.96682717 82.06779338 111.6661274 84.72840357 110.36572266 87.38916016 C109.69648773 88.75834846 109.69648773 88.75834846 109.01373291 90.15519714 C108.09691964 92.03129675 107.18037737 93.9075288 106.26409912 95.78388977 C103.9246874 100.57299361 101.57912368 105.35890073 99.22119141 110.13891602 C94.80704767 119.10194832 90.46949379 128.07950252 86.37890625 137.1953125 C73.47686921 165.72785341 73.47686921 165.72785341 59.85058594 173.86279297 C56.84100202 175.71221802 54.13725011 177.9308902 51.375 180.125 C50.32957031 180.92292969 49.28414062 181.72085938 48.20703125 182.54296875 C44.80145877 185.1440258 41.42960435 187.78691993 38.0625 190.4375 C37.48097168 190.89527832 36.89944336 191.35305664 36.30029297 191.82470703 C35.1220986 192.75259621 33.94403901 193.68065654 32.76611328 194.60888672 C29.26440869 197.36707206 25.75798348 200.11925354 22.25244141 202.87255859 C18.73156039 205.63833304 15.21313502 208.40718793 11.69677734 211.17871094 C9.95833882 212.54610887 8.21568407 213.90799074 6.47265625 215.26953125 C4.08425027 217.13769039 1.72217676 219.03434098 -0.62890625 220.94921875 C-1.79417266 221.88293503 -2.95953369 222.81653324 -4.125 223.75 C-4.65746338 224.19287354 -5.18992676 224.63574707 -5.73852539 225.09204102 C-9.47489531 228.05507903 -9.47489531 228.05507903 -11.90161133 227.80053711 C-14.42298756 226.83862988 -16.18795082 225.55588378 -18.31640625 223.89453125 C-19.15341064 223.24774414 -19.99041504 222.60095703 -20.8527832 221.93457031 C-22.19409302 220.88414551 -22.19409302 220.88414551 -23.5625 219.8125 C-25.46254783 218.34376549 -27.36361038 216.87634287 -29.265625 215.41015625 C-30.22533203 214.66910645 -31.18503906 213.92805664 -32.17382812 213.16455078 C-35.57016275 210.56331523 -39.00060767 208.01283941 -42.45117188 205.48413086 C-44.03487491 204.32107847 -45.61166945 203.14856405 -47.18164062 201.96704102 C-50.73230246 199.30738731 -54.22720438 196.80926056 -58.109375 194.65625 C-72.79385405 186.04164398 -78.65676657 170.02939412 -85.85546875 155.32910156 C-88.92489173 149.08727563 -92.24388375 142.98723865 -95.5625 136.875 C-96.7839917 134.60233566 -98.0040321 132.32889073 -99.22265625 130.0546875 C-100.14135498 128.34104004 -100.14135498 128.34104004 -101.07861328 126.59277344 C-104.5696294 120.07102582 -108.03281113 113.53443417 -111.5 107 C-117.02216399 96.5936722 -122.55994346 86.1959597 -128.125 75.8125 C-128.71603516 74.70970703 -129.30707031 73.60691406 -129.91601562 72.47070312 C-130.48255859 71.41431641 -131.04910156 70.35792969 -131.6328125 69.26953125 C-132.1784082 68.24682129 -132.72400391 67.22411133 -133.28613281 66.17041016 C-134.51022353 63.9060167 -135.75149165 61.65937964 -137.01855469 59.41943359 C-137.34838348 58.82869553 -137.67821228 58.23795746 -138.01803589 57.62931824 C-138.9412602 55.97781945 -139.87440021 54.33187519 -140.80810547 52.6862793 C-142 50 -142 50 -141 47 C-139.03192139 45.99591064 -139.03192139 45.99591064 -136.40917969 45.09863281 C-135.427901 44.75523865 -134.44662231 44.41184448 -133.43560791 44.05804443 C-132.35857605 43.69342102 -131.28154419 43.32879761 -130.171875 42.953125 C-127.86738637 42.14908126 -125.56336581 41.34369498 -123.25976562 40.53710938 C-121.45971069 39.91147095 -121.45971069 39.91147095 -119.62329102 39.27319336 C-113.85349531 37.24573668 -108.12281403 35.115375 -102.390625 32.984375 C-100.06357115 32.12279137 -97.73642149 31.26146645 -95.40917969 30.40039062 C-94.23883179 29.96702393 -93.06848389 29.53365723 -91.8626709 29.0871582 C-72.43216632 21.8953438 -52.98430621 14.76871028 -33.40332031 7.99511719 C-32.72420593 7.75960144 -32.04509155 7.52408569 -31.34539795 7.28143311 C-29.42715911 6.61722102 -27.50754844 5.95697484 -25.58789062 5.296875 C-22.02800337 4.01012207 -18.56671708 2.56093373 -15.078125 1.09375 C-9.54496775 -1.04245819 -5.71047314 -1.5498393 0 0 Z " fill="#FEFEFE" transform="translate(2107,3387)"/>
<path d="M0 0 C11.53209852 4.23709509 22.93997622 8.74758678 34.32156372 13.37252808 C37.34048899 14.59927026 40.3604239 15.82349748 43.38061523 17.04711914 C47.69203784 18.79400531 52.00311195 20.5417475 56.31396484 22.29003906 C65.32446764 25.94327154 74.33896586 29.58659647 83.35473633 33.22680664 C87.80318255 35.02319749 92.24944868 36.82483633 96.6940918 38.63061523 C105.94910269 42.38584107 115.20337614 46.11657907 124.5625 49.60546875 C126.60871625 50.37946829 128.65434696 51.15499882 130.69992065 51.93069458 C132.46311456 52.58795253 134.23827942 53.21283265 136.01391602 53.83569336 C144.76267119 57.14899449 149.8761334 62.09696501 156 69 C156.68715088 69.77359863 157.37430176 70.54719727 158.08227539 71.34423828 C159.19285693 72.61333497 160.29569876 73.88924711 161.390625 75.171875 C163.02586434 77.02937988 164.73481793 78.76606009 166.5 80.5 C169.47900974 83.43287463 172.22863494 86.50252955 174.95703125 89.66796875 C179.21355168 94.52675019 183.62245795 99.25040646 188 104 C186.44784846 110.03065249 183.1797142 114.7288025 179.8125 119.875 C178.53550651 121.85355267 177.25949813 123.83274142 175.984375 125.8125 C175.32501953 126.8334375 174.66566406 127.854375 173.98632812 128.90625 C170.80058536 133.86811484 167.6806684 138.87049164 164.5625 143.875 C163.94165527 144.86983398 163.32081055 145.86466797 162.68115234 146.88964844 C160.786559 149.92588705 158.89310772 152.96283491 157 156 C155.7370948 158.02611375 154.47407411 160.05215551 153.2109375 162.078125 C152.58775635 163.07835693 151.9645752 164.07858887 151.32250977 165.10913086 C150.07003916 167.1129865 148.81274013 169.11383264 147.55053711 171.11157227 C144.44813477 176.02717707 141.42577265 180.96372936 138.54296875 186.01171875 C131.71090767 197.76517147 125.57896837 205.14813479 113.59082031 211.56982422 C108.31290161 214.48332287 103.24333911 217.75491926 98.125 220.9375 C95.87056474 222.3215725 93.61536543 223.70440132 91.359375 225.0859375 C86.00647188 228.37305893 80.67998921 231.69869629 75.375 235.0625 C57.33072687 246.50406765 39.17853141 257.77326493 21 269 C18.00096575 265.45162919 16.28736107 261.45066675 14.47265625 257.22265625 C14.13196609 256.44109161 13.79127594 255.65952698 13.44026184 254.85427856 C12.69968373 253.15402439 11.96144928 251.4527479 11.22528076 249.75057983 C9.21691031 245.10769246 7.19085429 240.47251423 5.16796875 235.8359375 C4.74553894 234.86631577 4.32310913 233.89669403 3.88787842 232.89768982 C-0.31773215 223.25098743 -4.58640465 213.63284452 -8.86746216 204.0194397 C-10.12545468 201.18647608 -11.37513318 198.34997452 -12.62280273 195.51245117 C-16.20732421 187.37937935 -19.81739748 179.27752665 -23.74313354 171.30226135 C-25.32083333 168.09188643 -26.86190266 164.86452737 -28.40130615 161.63565063 C-29.11775147 160.16150698 -29.85288459 158.696257 -30.60894775 157.24203491 C-36.4909761 145.92187012 -36.21956629 138.19518188 -32.60150146 126.03381348 C-31.85589697 123.51275483 -31.26882557 120.96654465 -30.69140625 118.40234375 C-30.31878848 116.91313579 -29.94271844 115.42478554 -29.5625 113.9375 C-29.38396484 113.22013672 -29.20542969 112.50277344 -29.02148438 111.76367188 C-27.86926373 107.19746415 -26.62500424 102.66225093 -25.34178162 98.13111877 C-21.91623626 85.99593239 -18.95511586 73.75680184 -16 61.5 C-13.0423805 49.23281394 -10.0740772 36.98695363 -6.63775635 24.84375 C-5.19871141 19.75664539 -3.89452202 14.66056802 -2.75 9.5 C-1.12377049 2.24754098 -1.12377049 2.24754098 0 0 Z " fill="#FEFEFE" transform="translate(3408,1839)"/>
<path d="M0 0 C5.48390219 3.90200733 10.44840574 8.17652478 15.36425781 12.7590332 C18.64769361 15.80375767 22.00757172 18.69295447 25.5 21.5 C30.01777813 25.13499389 34.27818516 28.9671029 38.51953125 32.9140625 C41.75211747 35.90441358 45.06705866 38.73786329 48.5 41.5 C53.01777813 45.13499389 57.27818516 48.9671029 61.51953125 52.9140625 C64.75211747 55.90441358 68.06705866 58.73786329 71.5 61.5 C76.01777813 65.13499389 80.27818516 68.9671029 84.51953125 72.9140625 C87.75211747 75.90441358 91.06705866 78.73786329 94.5 81.5 C99.0132947 85.13138654 103.27750367 88.95249288 107.50415039 92.9074707 C111.6440106 96.75350395 116.01102808 100.2375611 120.52734375 103.63671875 C127.42422835 110.22852789 130.6621298 119.53970009 134.4375 128.125 C134.98970584 129.36742255 135.54243774 130.60961142 136.09570312 131.8515625 C137.46614422 134.93428425 138.82454153 138.02208664 140.17547607 141.11340332 C140.73960984 142.40420018 141.30497653 143.69445871 141.87139893 144.98425293 C142.721661 146.92267731 143.56667589 148.86330405 144.41015625 150.8046875 C144.90781494 151.94663574 145.40547363 153.08858398 145.91821289 154.26513672 C147 157 147 157 147 159 C145.375 160.48828125 145.375 160.48828125 143 162.3125 C142.08476562 163.02664062 141.16953125 163.74078125 140.2265625 164.4765625 C139.45554199 165.07645996 139.45554199 165.07645996 138.66894531 165.68847656 C135.53880738 168.14826313 132.4605817 170.67222666 129.375 173.1875 C127.98706366 174.31651013 126.59904157 175.44541485 125.2109375 176.57421875 C124.51323242 177.14188965 123.81552734 177.70956055 123.09667969 178.29443359 C119.73237286 181.03116479 116.36611672 183.7654955 113 186.5 C111.6666567 187.58332107 110.33332338 188.66665442 109 189.75 C106.33333333 191.91666667 103.66666667 194.08333333 101 196.25 C100.0097583 197.0546167 100.0097583 197.0546167 98.99951172 197.87548828 C97.66792549 198.95734112 96.33622 200.03904718 95.00439453 201.12060547 C91.64333059 203.85039108 88.28446381 206.58280217 84.9296875 209.3203125 C76.35975848 216.30832231 67.73764699 223.22241977 59 230 C58.39969971 230.50797119 57.79939941 231.01594238 57.1809082 231.53930664 C54.5553208 233.29783003 52.28999896 233.8931515 49.21484375 234.61328125 C48.05887695 234.88841553 46.90291016 235.1635498 45.71191406 235.44702148 C43.8435791 235.87543335 43.8435791 235.87543335 41.9375 236.3125 C40.62581466 236.62048641 39.31429344 236.92917256 38.00292969 237.23852539 C28.50628113 239.46760527 18.98197389 241.57287124 9.453125 243.65942383 C0.41691322 245.65081957 -8.57432633 247.80437901 -17.5625 250 C-27.95044627 252.53402474 -38.33936617 255.06036622 -48.75 257.5 C-50.35597046 257.88285156 -50.35597046 257.88285156 -51.99438477 258.2734375 C-52.98108154 258.50289062 -53.96777832 258.73234375 -54.984375 258.96875 C-55.83741211 259.16919922 -56.69044922 259.36964844 -57.56933594 259.57617188 C-60.09393715 260.01637956 -62.44256787 260.07538657 -65 260 C-67.07481706 246.11503101 -68.30843891 232.14223999 -69.62038422 218.16894531 C-69.81399058 216.10914147 -70.0085707 214.04943174 -70.20343018 211.98974609 C-72.15684685 191.33214439 -74.04524637 170.66892125 -75.875 150 C-75.98413727 148.77686096 -76.09327454 147.55372192 -76.20571899 146.29351807 C-76.51292213 142.84179939 -76.81581538 139.38973209 -77.1171875 135.9375 C-77.20750748 134.92678436 -77.29782745 133.91606873 -77.3908844 132.87472534 C-78.66730754 118.06110405 -78.66730754 118.06110405 -76.04296875 114.3984375 C-75.37793335 113.4386499 -75.37793335 113.4386499 -74.69946289 112.45947266 C-74.20051514 111.77159668 -73.70156738 111.0837207 -73.1875 110.375 C-72.08381456 108.78793257 -70.9824164 107.19927306 -69.8828125 105.609375 C-69.26825195 104.72830078 -68.65369141 103.84722656 -68.02050781 102.93945312 C-64.52609051 97.85574308 -61.1671009 92.68346403 -57.79699707 87.5168457 C-56.55500785 85.61351841 -55.31058263 83.71180572 -54.06542969 81.81054688 C-48.99706309 74.06985963 -43.95690122 66.31127896 -38.92871094 58.54443359 C-33.90535603 50.80948249 -28.76620193 43.15225882 -23.63339233 35.48977661 C-18.64887672 28.04425182 -13.7721883 20.54886695 -9.08374023 12.91308594 C-6.29507062 8.39482991 -3.29434751 4.16128107 0 0 Z " fill="#FEFEFE" transform="translate(3417,2285)"/>
<path d="M0 0 C1.50854932 0.00169455 3.01710357 0.00073833 4.52565002 -0.00265503 C8.60193122 -0.00437009 12.67714386 0.03079878 16.75317764 0.07278872 C21.01988495 0.1104055 25.28661925 0.11382967 29.5534668 0.12094116 C37.62473449 0.139558 45.69551208 0.18875177 53.76656437 0.2490381 C62.95876677 0.31620208 72.15099311 0.34911703 81.34337997 0.37921071 C100.2448224 0.44185397 119.14580923 0.54732701 138.046875 0.68115234 C137.89197549 2.92035353 137.73563616 5.15945515 137.57868958 7.39851379 C137.49178266 8.64542401 137.40487574 9.89233423 137.31533527 11.17702961 C137.00762733 15.19343916 136.54655918 19.14017895 135.99609375 23.13037109 C135.89742004 23.85858566 135.79874634 24.58680023 135.69708252 25.33708191 C135.48755869 26.88321517 135.27632785 28.42911799 135.06344604 29.97479248 C133.30538712 42.76396601 131.66518444 55.56168891 130.22976685 68.39108276 C129.9840413 70.55909652 129.72855516 72.72576079 129.47045898 74.89233398 C128.7190611 81.26144356 128.02145209 87.61110996 127.60922241 94.01228333 C126.36603064 113.04478542 121.7875752 126.26150883 110.21484375 141.72851562 C106.66277913 146.56620363 103.47110907 151.6296891 100.234375 156.68115234 C98.99285598 158.58478272 97.74941901 160.48716385 96.50390625 162.38818359 C93.46322104 167.03977258 90.43770867 171.70092154 87.421875 176.36865234 C83.32562187 182.70713805 79.22091054 189.04006718 75.109375 195.36865234 C74.56522949 196.20678467 74.02108398 197.04491699 73.46044922 197.90844727 C70.68183193 202.18380961 67.88632201 206.44592897 65.046875 210.68115234 C58.26692899 210.1381178 52.47359205 208.26684501 46.109375 205.93115234 C39.11424367 203.42544198 32.13460524 201.01821567 24.984375 198.99365234 C18.60858042 197.18516274 12.41580075 195.09771242 6.19921875 192.79052734 C3.37070728 191.79511562 0.57786893 191.03154504 -2.328125 190.30615234 C-5.82709265 189.27769569 -8.04130584 188.01528934 -10.73046875 185.56005859 C-11.42172852 184.93325195 -12.11298828 184.30644531 -12.82519531 183.66064453 C-13.52741211 183.00741211 -14.22962891 182.35417969 -14.953125 181.68115234 C-15.62182617 181.06143555 -16.29052734 180.44171875 -16.97949219 179.80322266 C-19.04237893 177.87619673 -21.09285366 175.93672703 -23.140625 173.99365234 C-28.26164222 169.15372777 -33.39211957 164.3264329 -38.578125 159.55615234 C-43.2218028 155.28425923 -47.84382642 150.99012503 -52.453125 146.68115234 C-57.10569075 142.33235013 -61.76912629 137.99608252 -66.453125 133.68115234 C-74.29450723 126.45610228 -82.07985729 119.1712507 -89.86914062 111.89013672 C-91.14165758 110.7008078 -92.41436203 109.51167946 -93.68725586 108.32275391 C-94.93872401 107.15353202 -96.18954781 105.98362003 -97.43969727 104.81298828 C-100.50980909 101.94229766 -103.59496514 99.0914933 -106.71484375 96.27490234 C-107.31280762 95.73236816 -107.91077148 95.18983398 -108.52685547 94.63085938 C-109.65281658 93.61113891 -110.7830975 92.59615981 -111.91845703 91.58691406 C-114.63931876 89.11728933 -116.43146134 87.00651405 -117.953125 83.68115234 C-101.17083244 69.81574031 -101.17083244 69.81574031 -93.60546875 63.80224609 C-90.03783842 60.94919268 -86.49616887 58.0646456 -82.953125 55.18115234 C-77.8673723 51.04300444 -72.76726176 46.92485597 -67.640625 42.83740234 C-64.06474679 39.96838378 -60.50924573 37.07460113 -56.953125 34.18115234 C-51.87015609 30.04537874 -46.77393947 25.92824183 -41.6484375 21.84521484 C-39.4478413 20.07835935 -37.25681795 18.30128668 -35.0703125 16.51708984 C-34.02230469 15.66244141 -34.02230469 15.66244141 -32.953125 14.79052734 C-31.57961227 13.66949857 -30.20714248 12.5471902 -28.8359375 11.42333984 C-27.86914062 10.63443359 -27.86914062 10.63443359 -26.8828125 9.82958984 C-26.31804199 9.3672998 -25.75327148 8.90500977 -25.17138672 8.42871094 C-24.07334717 7.56366943 -24.07334717 7.56366943 -22.953125 6.68115234 C-22.239864 5.95884178 -22.239864 5.95884178 -21.51219368 5.22193909 C-15.07253899 -0.64903072 -8.30422449 -0.1309609 0 0 Z " fill="#FEFEFE" transform="translate(2526.953125,3315.31884765625)"/>
<path d="M0 0 C18.57791089 -0.22461607 37.02117884 0.3994181 55.56640625 1.4609375 C57.61402871 1.57528092 59.66170369 1.68864637 61.70938724 1.80189002 C68.09756095 2.15517947 74.48531006 2.51547597 80.87280273 2.88085938 C87.4255649 3.25560125 93.97886372 3.61955262 100.5325256 3.97818792 C106.21583519 4.28948795 111.89879704 4.60663474 117.58151287 4.92859232 C120.95205913 5.1195441 124.32268181 5.30854429 127.69363594 5.49216843 C131.4349618 5.69768447 135.17561932 5.91278014 138.91625977 6.13037109 C140.01189743 6.18863571 141.1075351 6.24690033 142.2363739 6.30693054 C151.32266423 6.85258931 159.13472053 8.07616603 167.17578125 12.52734375 C167.82008591 12.87254059 168.46439056 13.21773743 169.1282196 13.57339478 C171.19547573 14.68433691 173.2539506 15.81052035 175.3125 16.9375 C176.73714562 17.70719643 178.16227948 18.47598983 179.58789062 19.24389648 C183.73329592 21.48131722 187.8674815 23.73889225 192 26 C193.1348584 26.61907227 194.2697168 27.23814453 195.43896484 27.87597656 C199.69181141 30.19741397 203.93961573 32.52720159 208.17622375 34.87814331 C208.89328145 35.27600981 209.61033915 35.6738763 210.34912586 36.08379936 C210.89391433 36.38614557 211.43870279 36.68849178 212 37 C208.12609365 55.60513053 204.02260908 74.1554936 199.81997967 92.68896675 C198.62702331 97.95160168 197.44339768 103.21598155 196.28051758 108.48535156 C195.14249296 113.64085995 193.98141296 118.79067591 192.80420876 123.93737411 C192.36355562 125.88184766 191.93096888 127.82816899 191.50696373 129.77634048 C187.37888601 148.69366847 187.37888601 148.69366847 180 156 C178.94030008 157.28510409 177.89166104 158.57949192 176.859375 159.88671875 C175.82360718 161.15421042 174.78713443 162.42112632 173.75 163.6875 C169.56718224 168.81075804 165.43749138 173.96838824 161.375 179.1875 C157.41149857 184.27370691 153.31009322 189.21634576 149.11791992 194.11499023 C145.40191135 198.47674653 141.8596838 202.95679796 138.3425293 207.47949219 C133.99705462 213.04821146 129.50653969 218.49218464 125.00537109 223.93530273 C119.55268837 230.53084955 114.10861023 237.13192885 109 244 C106.02173799 242.67193785 104.0554954 241.26488767 101.85546875 238.8671875 C101.26886475 238.23417725 100.68226074 237.60116699 100.07788086 236.94897461 C99.45405518 236.26456299 98.83022949 235.58015137 98.1875 234.875 C96.83870036 233.41521794 95.48973748 231.9555867 94.140625 230.49609375 C93.45291016 229.74827637 92.76519531 229.00045898 92.05664062 228.22998047 C88.87287724 224.77787995 85.65428974 221.35879138 82.4375 217.9375 C77.03868904 212.18185294 71.65161196 206.41534808 66.26928711 200.64428711 C62.02004222 196.08943562 57.76185648 191.54305114 53.5 187 C48.08646732 181.22928579 42.68177983 175.45046159 37.28710938 169.66210938 C34.19933951 166.35053739 31.10449247 163.04590626 28 159.75 C27.33226563 159.04037109 26.66453125 158.33074219 25.9765625 157.59960938 C24.70182509 156.24551578 23.42587311 154.89256406 22.1484375 153.54101562 C21.27058594 152.60805664 21.27058594 152.60805664 20.375 151.65625 C19.61316406 150.84897461 19.61316406 150.84897461 18.8359375 150.02539062 C18.23007813 149.35701172 17.62421875 148.68863281 17 148 C16.50897797 147.56285675 16.01795593 147.1257135 15.51205444 146.67532349 C9.91164479 141.20257232 9.82758388 135.39941847 9.3515625 127.8671875 C9.24605025 126.51411469 9.13794243 125.16124225 9.02749634 123.80856323 C8.78873938 120.82994218 8.56622024 117.85066585 8.35461426 114.86999512 C7.98649303 109.72940424 7.56393445 104.59389592 7.13574219 99.45800781 C6.26761044 88.99600504 5.43379875 78.5314701 4.60736084 68.06610107 C3.98901256 60.23937438 3.36711229 52.41293135 2.74333572 44.58663559 C2.52878152 41.88754036 2.31609007 39.18830316 2.10360718 36.48904419 C1.97196991 34.83139528 1.84026962 33.17375137 1.70849609 31.51611328 C1.65134933 30.78365891 1.59420258 30.05120453 1.5353241 29.29655457 C1.18138148 24.86989826 0.73101296 20.46371308 0.20337868 16.05425835 C-0.3238955 10.72844256 -0.05188949 5.3446174 0 0 Z " fill="#FEFEFE" transform="translate(3255,1421)"/>
<path d="M0 0 C4.09586923 4.65439686 6.89033883 9.91779383 9.875 15.3125 C14.52492 23.63131625 19.24300298 31.90322968 24.0625 40.125 C28.41699197 47.55998058 32.73798054 55.01161191 37 62.5 C41.22608487 69.9223603 45.50177089 77.31397925 49.8125 84.6875 C54.85859361 93.31886492 59.87946188 101.96426752 64.875 110.625 C65.46901611 111.65455811 66.06303223 112.68411621 66.67504883 113.74487305 C67.85472608 115.79154004 69.01990668 117.84662473 70.17114258 119.90942383 C71.94396647 123.02838485 71.94396647 123.02838485 74.1159668 125.84643555 C82.1690914 137.44562027 82.02630208 150.83847872 82.92541504 164.55645752 C83.10939382 167.24872399 83.32448374 169.93810364 83.54087162 172.62793064 C83.98711729 178.19283211 84.41022436 183.75991793 84.78149414 189.33032227 C84.84840958 190.30735611 84.91532501 191.28438995 84.98426819 192.29103088 C85.00029839 195.05138242 84.78595411 197.35297065 84 200 C81.60864258 201.40283203 81.60864258 201.40283203 78.39453125 202.5078125 C77.19916748 202.93118896 76.00380371 203.35456543 74.7722168 203.79077148 C73.4523664 204.2356781 72.13245916 204.68041615 70.8125 205.125 C69.44691205 205.60207679 68.08209358 206.08136134 66.71801758 206.56274414 C63.88295283 207.56132267 61.04480206 208.55028888 58.20410156 209.53271484 C51.83252246 211.7450535 45.51344866 214.09835144 39.1875 216.4375 C36.71260541 217.34604921 34.23733912 218.2535865 31.76171875 219.16015625 C31.13938858 219.38806854 30.51705841 219.61598083 29.87586975 219.85079956 C22.08745935 222.70193127 14.29413093 225.53955102 6.5 228.375 C5.82093597 228.62216766 5.14187195 228.86933533 4.44223022 229.12399292 C2.47207772 229.84095478 0.50172329 230.5573578 -1.46875 231.2734375 C-2.09589401 231.50145554 -2.72303802 231.72947357 -3.3691864 231.96440125 C-6.55440692 233.12035868 -9.74298801 234.26602454 -12.9375 235.39599609 C-13.5730481 235.62114899 -14.20859619 235.84630188 -14.86340332 236.07827759 C-16.60554512 236.6943429 -18.3486388 237.30771457 -20.09179688 237.92089844 C-22.90230394 238.91708057 -22.90230394 238.91708057 -25.14257812 240.00878906 C-29.2460738 241.92245923 -32.43052755 242.06847881 -36.94506836 241.69726562 C-38.82027664 241.54390747 -38.82027664 241.54390747 -40.73336792 241.38745117 C-49.12070546 240.63693731 -57.500195 239.80933482 -65.87890625 238.96875 C-67.86473098 238.77069209 -69.85056593 238.57273658 -71.83641052 238.37487793 C-75.9689537 237.96265742 -80.10134749 237.54897725 -84.23364258 237.13427734 C-89.52581913 236.60333045 -94.81839165 236.07644977 -100.11108494 235.55068207 C-104.19902506 235.14408244 -108.28673148 234.73517156 -112.37437248 234.32557678 C-114.32671522 234.13026062 -116.2791341 233.93570391 -118.23163033 233.7419281 C-120.9522721 233.47160526 -123.6725788 233.19812615 -126.39282227 232.92382812 C-127.19441772 232.8448378 -127.99601318 232.76584747 -128.82189941 232.6844635 C-132.59748253 232.30048294 -136.29588022 231.8349357 -140 231 C-137.66948117 219.24007931 -134.9717373 207.58150521 -132.125 195.9375 C-127.66339252 177.67339643 -123.42034704 159.36568912 -119.30760193 141.01976013 C-118.34017519 136.70503842 -117.36853155 132.39136249 -116.38696289 128.07983398 C-114.7320071 120.79782964 -113.08237829 113.51996686 -111.61619568 106.19720459 C-111.19377098 104.09746286 -110.75745535 102.00112274 -110.31616211 99.90527344 C-109.79012113 97.38820749 -109.29016935 94.86547781 -108.82250977 92.33691406 C-107.01378241 83.89982203 -103.94641742 79.98929755 -97 75 C-95.67724472 73.95717444 -94.35557118 72.91297481 -93.03515625 71.8671875 C-91.71349308 70.8664077 -90.38919567 69.86909876 -89.0625 68.875 C-87.57239844 67.74677788 -86.08283285 66.61784758 -84.59375 65.48828125 C-83.83578125 64.91416504 -83.0778125 64.34004883 -82.296875 63.74853516 C-78.53030133 60.88116689 -74.79593842 57.9728053 -71.0625 55.0625 C-70.3204834 54.4845166 -69.5784668 53.9065332 -68.81396484 53.31103516 C-67.30515599 52.13548817 -65.79653029 50.95970608 -64.28808594 49.78369141 C-60.42277659 46.77046583 -56.55548127 43.75979468 -52.6875 40.75 C-51.93218994 40.16226807 -51.17687988 39.57453613 -50.39868164 38.96899414 C-45.0824795 34.83507533 -39.74805827 30.72578211 -34.40625 26.625 C-29.48469267 22.83918667 -24.59088449 19.0175684 -19.69189453 15.20263672 C-13.14780939 10.10905191 -6.58079892 5.04605429 0 0 Z " fill="#FEFEFE" transform="translate(3280,2709)"/>
<path d="M0 0 C2.10256258 4.59764239 2.9723556 9.27554957 3.91796875 14.20703125 C4.0957637 15.11132874 4.27355865 16.01562622 4.45674133 16.94732666 C4.83848802 18.88964649 5.21823992 20.83235925 5.59619141 22.77542114 C6.59788652 27.92032698 7.61649684 33.06186535 8.63671875 38.203125 C8.83985687 39.22733047 9.042995 40.25153595 9.25228882 41.30677795 C10.90100034 49.58249761 12.66296427 57.82659255 14.5 66.0625 C17.81040623 80.92361125 20.86510612 95.83310853 23.89257812 110.75415039 C24.07498047 111.65216873 24.25738281 112.55018707 24.4453125 113.47541809 C24.80065255 115.22712343 25.15484633 116.97906174 25.5078125 118.73124695 C26.28810863 122.58818665 27.08755098 126.43675635 27.96679688 130.27246094 C28.3931543 132.14466309 28.3931543 132.14466309 28.828125 134.0546875 C29.07981445 135.11929199 29.33150391 136.18389648 29.59082031 137.28076172 C30.12445166 140.82705403 29.72435085 142.87948316 27.79296875 145.8671875 C19.74141258 155.93653025 11.53569744 165.9335322 2.21875 174.8671875 C0.02772271 176.91542779 0.02772271 176.91542779 -1.71875 178.9453125 C-4.25025939 181.61332485 -6.00437231 182.90066065 -9.73944473 183.27332973 C-17.61507032 183.14569586 -25.37696983 182.64079433 -33.20996094 181.82250977 C-34.45871002 181.69731964 -35.70745911 181.57212952 -36.99404907 181.44314575 C-40.3739342 181.10288057 -43.75312773 180.75686958 -47.13211346 180.40785336 C-50.68125665 180.04243651 -54.23108771 179.68381665 -57.78082275 179.32420349 C-63.72544619 178.72092221 -69.6695215 178.11246105 -75.61328125 177.50073242 C-82.48895746 176.79314681 -89.36540048 176.09343346 -96.24230742 175.39791828 C-102.87264206 174.72719986 -109.50245532 174.05146199 -116.13202667 173.37324333 C-118.95004056 173.0850167 -121.76821884 172.79848078 -124.58654022 172.51327705 C-128.50582563 172.11634937 -132.42432949 171.71203931 -136.34277344 171.30688477 C-138.10208694 171.12993828 -138.10208694 171.12993828 -139.89694214 170.94941711 C-140.95654144 170.83865845 -142.01614075 170.72789978 -143.10784912 170.61378479 C-144.0339587 170.51884011 -144.96006828 170.42389544 -145.91424179 170.32607365 C-148 170 -148 170 -149 169 C-149.09925194 167.27705691 -149.1279943 165.55001766 -149.12939453 163.82421875 C-149.13250137 162.70480392 -149.13560822 161.5853891 -149.1388092 160.43205261 C-149.13683029 159.19635025 -149.13485138 157.96064789 -149.1328125 156.6875 C-149.13417709 155.40043655 -149.13554169 154.11337311 -149.13694763 152.78730774 C-149.13977582 149.26064515 -149.13531854 145.73402718 -149.12877274 142.20737076 C-149.12500392 140.00229079 -149.12293477 137.79721508 -149.12130737 135.59213257 C-149.08694173 96.05267243 -148.5403114 56.5113625 -147 17 C-89.4208981 9.47716506 -89.4208981 9.47716506 -66.8296051 6.81027222 C-61.36754678 6.16501534 -55.90722051 5.50591495 -50.44706726 4.84474182 C-45.79320747 4.28229314 -41.13877047 3.72472044 -36.48422241 3.16799927 C-34.18341426 2.89197322 -31.88281069 2.61423577 -29.58242798 2.33468628 C-26.34720031 1.94204017 -23.1112235 1.55621544 -19.875 1.171875 C-18.91075607 1.05334671 -17.94651215 0.93481842 -16.95304871 0.81269836 C-11.25752447 0.14445235 -5.73493345 -0.10994888 0 0 Z " fill="#FEFEFE" transform="translate(2964,2737)"/>
<path d="M0 0 C7.54532812 0.64811408 14.69868747 2.20286109 22.0625 3.9375 C35.89557446 7.14431011 49.78090781 10.06835939 63.6875 12.9375 C79.1455985 16.12932189 94.57624144 19.41328377 109.9760437 22.87545776 C121.28575605 25.41744512 132.61320143 27.82563645 144 30 C144.12036191 36.3904148 143.70511994 42.45631377 142.828125 48.78125 C142.7058403 49.69944016 142.5835556 50.61763031 142.45756531 51.56364441 C142.19578975 53.52537882 141.93145765 55.48677354 141.6647644 57.44784546 C140.95821427 62.64718313 140.27185427 67.84920288 139.58203125 73.05078125 C139.44418716 74.0859639 139.30634308 75.12114655 139.1643219 76.18769836 C138.03508592 84.68144338 136.96162197 93.18048894 135.9375 101.6875 C135.78458496 102.95770996 135.63166992 104.22791992 135.47412109 105.53662109 C134.53767518 113.37534433 133.62429939 121.21669784 132.71484375 129.05859375 C132.60375778 130.01608017 132.49267181 130.97356659 132.3782196 131.96006775 C131.73100681 137.54248689 131.08623859 143.12516907 130.44889832 148.70872498 C130.25028385 150.41441285 130.04500348 152.11933913 129.8327179 153.82337952 C129.35673691 157.661929 128.95129034 161.45746451 128.79394531 165.32324219 C128.19329562 174.63216183 128.19329562 174.63216183 124.85351562 178.46044922 C122.00671242 180.61087899 119.1450952 182.31830888 116 184 C114.51258301 184.86915039 114.51258301 184.86915039 112.99511719 185.75585938 C109.98682313 187.48746279 106.94349391 189.12780258 103.875 190.75 C102.85535156 191.30042969 101.83570312 191.85085937 100.78515625 192.41796875 C97.87200336 193.97738435 94.94441116 195.50054088 92 197 C91.15211914 197.43376953 90.30423828 197.86753906 89.43066406 198.31445312 C88.65174805 198.69021484 87.87283203 199.06597656 87.0703125 199.453125 C86.40016113 199.77958008 85.73000977 200.10603516 85.03955078 200.44238281 C80.60264698 201.65544102 76.73429612 199.57126981 72.7578125 197.69140625 C71.71189941 197.20099854 70.66598633 196.71059082 69.58837891 196.20532227 C68.44546387 195.66319092 67.30254883 195.12105957 66.125 194.5625 C64.25678754 193.68418386 62.38760416 192.80795532 60.5184021 191.93174744 C59.17405355 191.30140147 57.83000652 190.67041211 56.48623657 190.03883362 C48.71870395 186.39014998 40.92247058 182.80402707 33.12728882 179.21490479 C18.11471423 172.30100953 3.12481974 165.34008249 -11.84765625 158.33984375 C-16.87278786 155.99107289 -21.90158078 153.65038348 -26.93359375 151.31640625 C-27.58315536 151.015103 -28.23271698 150.71379974 -28.90196228 150.40336609 C-32.00802356 148.96288558 -35.11451223 147.52333766 -38.22143555 146.0847168 C-39.31625244 145.577229 -40.41106934 145.06974121 -41.5390625 144.546875 C-42.50021973 144.10182617 -43.46137695 143.65677734 -44.45166016 143.19824219 C-46.65201442 142.16362457 -48.83140344 141.09930034 -51 140 C-48.59733162 131.4284552 -45.56685011 123.10009851 -42.5 114.75 C-41.95734808 113.26563602 -41.41495408 111.78117774 -40.87280273 110.29663086 C-38.42456473 103.59713847 -35.96455982 96.90197187 -33.50390625 90.20703125 C-33.10437744 89.11962646 -32.70484863 88.03222168 -32.29321289 86.91186523 C-31.46093861 84.64684423 -30.62807755 82.38203876 -29.79467773 80.11743164 C-26.66029433 71.5868705 -23.56751898 63.04156192 -20.48539925 54.49198341 C-19.77953454 52.53430478 -19.07324341 50.57678053 -18.36680603 48.61930847 C-17.8902891 47.29885872 -17.41377237 45.97840889 -16.93725586 44.65795898 C-16.69976844 43.99990863 -16.46228102 43.34185827 -16.21759701 42.663867 C-14.79240558 38.71381171 -13.37032029 34.7626546 -11.95039558 30.81070328 C-10.8354004 27.71010973 -9.71612318 24.6110613 -8.59765625 21.51171875 C-8.19385742 20.38468536 -7.79005859 19.25765198 -7.37402344 18.09646606 C-5.14959676 11.94490693 -2.76637426 5.9289085 0 0 Z " fill="#FEFEFE" transform="translate(2561,2957)"/>
<path d="M0 0 C4.71169238 1.45682107 9.10957526 3.36265894 13.546875 5.4921875 C14.26662506 5.83401566 14.98637512 6.17584381 15.72793579 6.5280304 C17.2692438 7.26035152 18.80984372 7.99416451 20.34979248 8.7293396 C24.42503744 10.67452423 28.50574423 12.6081909 32.5859375 14.54296875 C33.39894318 14.9288063 34.21194885 15.31464386 35.04959106 15.71217346 C41.80453761 18.9151184 48.58179073 22.06641209 55.375 25.1875 C65.76199362 29.96290398 76.13069931 34.77618257 86.48461914 39.62280273 C92.44483693 42.41196882 98.40841937 45.19281212 104.38729858 47.94180298 C107.1889638 49.2303994 109.98852968 50.52352083 112.78796387 51.81695557 C114.1309162 52.43587966 115.47490371 53.05256281 116.81994629 53.66693115 C118.68073558 54.51709025 120.53773669 55.37552621 122.39453125 56.234375 C123.45518799 56.72131836 124.51584473 57.20826172 125.60864258 57.70996094 C128 59 128 59 129 61 C128.38637305 63.33849872 127.70357018 65.58594457 126.9375 67.875 C124.93440405 74.00600477 123.03211868 80.16105643 121.1953125 86.34375 C118.43114314 95.6001644 115.59830675 104.83392096 112.73391724 114.05975342 C111.90758207 116.72136517 111.0824484 119.3833471 110.25756836 122.04541016 C108.21127447 128.64842549 106.16305066 135.25084179 104.11486816 141.85327148 C102.37320149 147.46790235 100.63230743 153.08277172 98.8923645 158.69793701 C98.09231039 161.27883456 97.29118435 163.85939757 96.48999023 166.43994141 C95.98403939 168.07188653 95.47825874 169.70388442 94.97265625 171.3359375 C94.60668587 172.51616989 94.60668587 172.51616989 94.23332214 173.72024536 C92.9163358 177.98229172 91.62417268 182.250622 90.35888672 186.52832031 C90.08886337 187.43925446 89.81884003 188.3501886 89.54063416 189.28872681 C89.02386553 191.03689361 88.51031257 192.78601531 88.00050354 194.53622437 C87.76758102 195.32429474 87.53465851 196.11236511 87.29467773 196.92431641 C87.09237045 197.61635162 86.89006317 198.30838684 86.68162537 199.02139282 C85.95720479 201.124225 85.03535891 203.03393022 84 205 C77.86339185 204.39719875 71.93458614 203.47838433 65.91015625 202.1796875 C65.06069931 202.00034164 64.21124237 201.82099579 63.33604431 201.63621521 C60.57735997 201.05301366 57.81995036 200.46400555 55.0625 199.875 C52.15657966 199.25910338 49.2503458 198.6447019 46.34408569 198.03041077 C44.38599582 197.616456 42.42800845 197.20201603 40.47012329 196.78709412 C32.35226459 195.06821542 24.22512833 193.39741633 16.09457397 191.73983765 C4.5620487 189.38695717 -6.96940119 187.02451587 -18.42358398 184.31054688 C-24.32888665 182.93380194 -30.20959241 181.78300808 -36.20561218 180.89700317 C-65.92104729 176.47688769 -65.92104729 176.47688769 -71.5390625 169.5078125 C-73.87682479 165.60395065 -75.35760285 161.6206918 -76.42333984 157.20654297 C-76.98505024 155.05720402 -77.75877146 153.27200591 -78.73828125 151.28515625 C-80.18940276 147.50684917 -80.16774882 145.83762387 -79 142 C-77.58203125 139.2109375 -77.58203125 139.2109375 -75.8125 136.375 C-73.49001724 132.53846409 -71.3164309 128.72968896 -69.375 124.6875 C-65.93202382 117.66419486 -62.03088647 110.91116426 -58.16162109 104.1159668 C-54.3697914 97.44792685 -50.65365814 90.74465414 -47 84 C-42.97710993 76.576991 -38.86783871 69.21041906 -34.6875 61.875 C-29.74737209 53.20194919 -24.99602753 44.43808944 -20.3125 35.625 C-14.79951211 25.25236474 -9.08807182 15.0453185 -3 5 C-1.99967456 3.33352864 -0.9995348 1.6669457 0 0 Z " fill="#FEFEFE" transform="translate(1050,2432)"/>
<path d="M0 0 C19.00649318 1.52596048 37.95031311 3.55353739 56.90504837 5.60761642 C64.40101542 6.41908919 71.89766947 7.22418384 79.39453125 8.02734375 C80.20805746 8.11453989 81.02158367 8.20173603 81.85976219 8.29157448 C97.24718378 9.93873494 112.64337579 11.48303882 128.05419922 12.89599609 C128.80933304 12.96656723 129.56446686 13.03713837 130.34248352 13.10984802 C132.29450247 13.29197195 134.24696317 13.46934491 136.19946289 13.64624023 C139 14 139 14 141 15 C141.51027238 27.56575918 142.01476883 40.13173764 142.51279354 52.69798851 C142.74445957 58.53932699 142.97778235 64.3805872 143.21557617 70.22167969 C144.54069224 102.81089458 145.48259337 135.38774372 146 168 C137.47801468 169.10752253 128.95564282 170.21201027 120.43282604 171.31311417 C116.4709088 171.82505975 112.50910839 172.33786963 108.54760742 172.85302734 C90.08657273 175.25299451 71.61928738 177.53973488 53.11961365 179.62219238 C45.09913358 180.52577267 37.08431564 181.46051824 29.078125 182.484375 C28.23260574 182.59243469 27.38708649 182.70049438 26.51594543 182.81182861 C23.24194849 183.23227479 19.96842443 183.65621485 16.6953125 184.08349609 C14.19838914 184.40841868 11.70082399 184.72797807 9.203125 185.046875 C8.47409973 185.14369568 7.74507446 185.24051636 6.99395752 185.340271 C-4.50672936 186.79921527 -4.50672936 186.79921527 -7.94140625 184.9609375 C-9.14253174 183.78586051 -10.33680661 182.60377214 -11.52734375 181.41796875 C-13.52554163 179.46396482 -15.50818868 177.77941407 -17.69140625 176.05078125 C-27.23409263 168.13147562 -27.23409263 168.13147562 -28.49609375 162.97167969 C-28.7128852 158.3691973 -27.68807374 154.00329288 -26.59814453 149.55566406 C-25.73433241 145.86489457 -25.15785263 142.13867387 -24.54980469 138.39868164 C-23.90852331 134.50183701 -23.20015856 130.61836139 -22.49365234 126.73291016 C-22.03283823 124.1817958 -21.58517081 121.62888528 -21.14453125 119.07421875 C-21.01361084 118.31761963 -20.88269043 117.56102051 -20.74780273 116.78149414 C-20.62477783 116.06985107 -20.50175293 115.35820801 -20.375 114.625 C-19.67604705 110.58751887 -18.91785351 106.58611 -18 102.59375 C-16.97335495 98.04690258 -16.27288523 93.48888521 -15.625 88.875 C-14.0997986 78.35940056 -12.27510844 67.9045007 -10.42578125 57.44189453 C-9.90315198 54.44456774 -9.41756537 51.44190912 -8.9375 48.4375 C-8.28066124 44.42156476 -7.45300572 40.47055385 -6.5625 36.5 C-5.08068172 29.77194632 -4.03962479 23.01365874 -3.09008789 16.19140625 C-2.97656982 15.38960937 -2.86305176 14.5878125 -2.74609375 13.76171875 C-2.64997803 13.06006592 -2.5538623 12.35841309 -2.45483398 11.63549805 C-1.78005264 7.72553312 -0.88300283 3.86751503 0 0 Z " fill="#FEFEFE" transform="translate(1218,2748)"/>
<path d="M0 0 C0.61197917 1.59114583 1.22395833 3.18229167 1.8359375 4.7734375 C2.23530518 5.81177734 2.63467285 6.85011719 3.04614258 7.91992188 C3.94706493 10.26235308 4.84794241 12.60480155 5.7487793 14.94726562 C7.97603598 20.73867239 10.20376131 26.52989681 12.43359375 32.3203125 C17.07463389 44.37458976 21.70037044 56.43463758 26.3125 68.5 C26.71926468 69.56408081 26.71926468 69.56408081 27.13424683 70.6496582 C29.95907138 78.03976811 32.78267543 85.43034364 35.60487366 92.82145691 C36.46618469 95.07680419 37.32792716 97.3319863 38.18969727 99.5871582 C39.30028241 102.49378058 40.40864945 105.40123442 41.51538086 108.30932617 C43.76437305 114.21175304 46.02348281 120.10684987 48.40625 125.95703125 C48.74672363 126.79943359 49.08719727 127.64183594 49.43798828 128.50976562 C50.0343658 129.97538124 50.64102372 131.43688624 51.26123047 132.89257812 C52.81344171 136.7149356 53.30961012 139.06686686 52 143 C50.23193359 144.40283203 50.23193359 144.40283203 47.8984375 145.5078125 C46.59229492 146.14299805 46.59229492 146.14299805 45.25976562 146.79101562 C43.83180664 147.45133789 43.83180664 147.45133789 42.375 148.125 C41.38951172 148.59873047 40.40402344 149.07246094 39.38867188 149.56054688 C36.26683008 151.057212 33.13405536 152.52911198 30 154 C28.06419631 154.92257665 26.12927527 155.84700801 24.1953125 156.7734375 C21.33533917 158.14338188 18.47481482 159.51197328 15.61083984 160.87353516 C9.03330775 164.00405398 2.50602548 167.22372237 -4 170.5 C-12.36390531 174.71181841 -20.78595385 178.78370146 -29.24511719 182.80029297 C-36.29083606 186.15636163 -43.27766589 189.61935093 -50.25 193.125 C-52.24459401 194.12148948 -54.23938266 195.11758947 -56.234375 196.11328125 C-59.98508408 197.98549554 -63.72208061 199.88192945 -67.453125 201.79296875 C-69.13489616 202.63385433 -70.81716046 203.47375459 -72.5 204.3125 C-73.24668945 204.7038916 -73.99337891 205.0952832 -74.76269531 205.49853516 C-79.71129204 207.9277438 -83.61531549 208.62356215 -89 207 C-92.88945447 205.55215075 -96.58893001 203.82833975 -100.3125 202 C-101.30056641 201.55527344 -102.28863281 201.11054688 -103.30664062 200.65234375 C-107.96443446 198.37576378 -111.29676615 196.71910942 -113.08203125 191.66796875 C-113.43876435 190.12282322 -113.74612165 188.5653367 -114 187 C-114.13414307 186.30342285 -114.26828613 185.6068457 -114.40649414 184.88916016 C-114.79082189 182.70184176 -115.0901575 180.51490967 -115.375 178.3125 C-116.77045827 168.31300067 -118.41669441 158.36431212 -120.11083984 148.41137695 C-121.28146929 141.48115659 -122.37778422 134.54626092 -123.40625 127.59375 C-125.14237943 115.87473509 -127.07149338 104.18863157 -129 92.5 C-131.08945312 79.83587558 -133.16669561 67.17321265 -135.03259277 54.47387695 C-135.82276606 49.10265174 -136.70018165 43.75265577 -137.66796875 38.41015625 C-138.01255731 35.90884868 -138.02227381 33.52165764 -138 31 C-121.62447659 26.95209999 -105.24223209 22.98401148 -88.75 19.4375 C-78.63145482 17.26150031 -68.55269197 14.96642908 -58.5 12.5 C-44.1420422 8.97816168 -29.71677746 5.81147816 -15.26367188 2.70849609 C-12.42594018 2.09246547 -9.59559103 1.45126297 -6.765625 0.80078125 C-3 0 -3 0 0 0 Z " fill="#FEFEFE" transform="translate(1618,2962)"/>
<path d="M0 0 C4.99012518 3.7106059 8.63651128 8.06061243 12.51171875 12.90625 C15.12199536 16.15168026 17.79887811 19.3303641 20.5 22.5 C23.855019 26.44602563 27.17223263 30.41643838 30.4375 34.4375 C33.89274151 38.68392382 37.42697834 42.85296294 41 47 C45.31928956 52.01319488 49.55097119 57.0853732 53.72265625 62.22265625 C56.28204054 65.34396367 58.88593791 68.4245003 61.5 71.5 C64.87283589 75.46903543 68.21176645 79.46017021 71.5 83.5 C74.75224376 87.49296832 78.04680701 91.44546039 81.375 95.375 C82.0541748 96.18118774 82.0541748 96.18118774 82.74707031 97.00366211 C85.1884051 99.89446745 87.66003037 102.75131221 90.1796875 105.57421875 C90.95046631 106.45037842 90.95046631 106.45037842 91.73681641 107.34423828 C92.72616677 108.46767292 93.72551869 109.58239835 94.73583984 110.68701172 C96.078125 112.22265625 96.078125 112.22265625 98 115 C97.72715317 118.81020833 95.67793182 120.73580394 93.09732056 123.39802551 C92.25674606 124.2716272 91.41617157 125.14522888 90.55012512 126.04530334 C89.6112739 127.0054341 88.67219451 127.9653418 87.73291016 128.92504883 C86.74832069 129.94153846 85.76424824 130.95852911 84.78065491 131.97598267 C81.54587157 135.31519549 78.29419442 138.63766585 75.0390625 141.95703125 C74.48438529 142.52289751 73.92970809 143.08876377 73.35822248 143.67177749 C68.11983702 149.01381942 62.8743708 154.34882945 57.61370277 159.66893482 C50.9002367 166.4593272 44.22208569 173.28068655 37.58817637 180.1488474 C32.91315087 184.9832154 28.19991347 189.77820116 23.45740545 194.54637545 C20.62996328 197.39121973 17.82164678 200.25015209 15.05348587 203.15281105 C-3.12122626 222.16973389 -3.12122626 222.16973389 -11.48443604 223.15145874 C-15.49396165 223.15762721 -19.1720775 222.51895299 -23.03019714 221.46634007 C-26.06602535 220.74762432 -29.08104368 220.82031824 -32.1875 220.8125 C-36.19634963 220.12247786 -37.54228111 219.60661606 -40.01660156 216.32739258 C-40.6144043 215.19454834 -41.21220703 214.0617041 -41.828125 212.89453125 C-42.16243027 212.27373688 -42.49673553 211.6529425 -42.84117126 211.01333618 C-43.91118455 209.01746019 -44.955247 207.00919151 -46 205 C-46.69237918 203.70406853 -47.38678609 202.40921829 -48.08325195 201.11547852 C-49.8854193 197.75824387 -51.66513683 194.38970222 -53.43728638 191.01654053 C-55.40098934 187.27916179 -57.37290904 183.54611806 -59.34375 179.8125 C-59.73969864 179.06193329 -60.13564728 178.31136658 -60.54359436 177.53805542 C-64.18744557 170.63463367 -67.86926728 163.75212264 -71.5625 156.875 C-76.90099491 146.93031008 -82.20956146 136.97030972 -87.5 127 C-92.74499764 117.11712205 -97.99887934 107.2391216 -103.27954102 97.37524414 C-104.21737879 95.62343396 -105.15459898 93.87129321 -106.09179688 92.11914062 C-109.04230445 86.61307531 -112.02156405 81.13348822 -115.14355469 75.72241211 C-116 74 -116 74 -116 72 C-113.91479492 70.49462891 -113.91479492 70.49462891 -110.98046875 68.7265625 C-109.90498779 68.07276611 -108.82950684 67.41896973 -107.72143555 66.74536133 C-106.54345703 66.03857422 -105.36547852 65.33178711 -104.1875 64.625 C-102.38375663 63.53165761 -100.5816522 62.43564825 -98.77961731 61.3394928 C-97.56949116 60.60359963 -96.35886611 59.86852627 -95.14775085 59.13426208 C-90.1228763 56.08584477 -85.14581537 52.96764528 -80.1875 49.8125 C-73.75435292 45.7293704 -67.29523999 41.69143857 -60.8125 37.6875 C-53.25758636 33.02102376 -45.71630961 28.33348587 -38.1875 23.625 C-37.20225342 23.00890869 -36.21700684 22.39281738 -35.2019043 21.75805664 C-30.44092174 18.78007769 -25.68100953 15.800395 -20.92201233 12.81924438 C-19.23896389 11.76510707 -17.55564115 10.71140776 -15.87231445 9.65771484 C-13.74405542 8.32549285 -11.61627096 6.99251236 -9.48901367 5.65869141 C-8.53615479 5.06233887 -7.5832959 4.46598633 -6.6015625 3.8515625 C-5.33820068 3.05999756 -5.33820068 3.05999756 -4.04931641 2.25244141 C-2 1 -2 1 0 0 Z " fill="#FEFEFE" transform="translate(1923,3067)"/>
<path d="M0 0 C4.19330569 1.52667462 7.93576454 3.6090317 11.75 5.89453125 C12.71867004 6.46955635 12.71867004 6.46955635 13.70690918 7.05619812 C15.80688903 8.30450936 17.90353947 9.55828874 20 10.8125 C21.46413137 11.68499877 22.92832456 12.55739382 24.39257812 13.4296875 C32.95620103 18.53942038 41.46572171 23.72758749 49.92163086 29.01391602 C57.73224026 33.87761263 65.6437842 38.56540306 73.5625 43.25 C84.17789249 49.53115571 94.76885647 55.849022 105.3125 62.25 C106.99098022 63.26755371 106.99098022 63.26755371 108.70336914 64.30566406 C115.5233039 68.45373863 122.28333101 72.6867424 129 77 C122.67145351 91.78561312 115.52031803 106.12886688 108.26831055 120.47705078 C103.48580016 129.95132974 98.83143735 139.47744772 94.27006531 149.06021118 C88.91088906 160.31091478 83.42381004 171.49839644 77.9375 182.6875 C76.89639061 184.81310512 75.85537467 186.93875601 74.81445312 189.06445312 C72.93145135 192.90871361 71.04833125 196.75291558 69.16381836 200.59643555 C68.79284531 201.35313034 68.42187225 202.10982513 68.03965759 202.88945007 C67.69657059 203.58593155 67.35348358 204.28241302 67 205 C66.69812271 205.72165848 66.39624542 206.44331696 66.08522034 207.18684387 C64.17746308 210.37427194 60.46459123 210.73303725 57.0625 211.625 C56.29631348 211.83664795 55.53012695 212.0482959 54.74072266 212.26635742 C48.88000217 213.85135152 43.02603902 215.21712997 37 216 C35.783125 216.185625 34.56625 216.37125 33.3125 216.5625 C29.70219533 215.9494294 28.92455571 215.33072561 26.3046875 212.9453125 C25.60158447 212.30891846 24.89848145 211.67252441 24.17407227 211.0168457 C23.45662842 210.35128662 22.73918457 209.68572754 22 209 C21.32960693 208.37891357 20.65921387 207.75782715 19.96850586 207.11791992 C17.90755467 205.19204746 15.8586744 203.2540594 13.8125 201.3125 C8.69148278 196.47257543 3.56100543 191.64528055 -1.625 186.875 C-6.26867763 182.60310703 -10.89072056 178.308993 -15.5 174 C-20.13091114 169.67109198 -24.77371087 165.35596344 -29.4375 161.0625 C-35.00926464 155.93206325 -40.53534853 150.75402436 -46.05615234 145.56884766 C-50.72238819 141.18942006 -55.41134934 136.83596638 -60.12133789 132.50366211 C-63.07005442 129.78912316 -66.00612792 127.06194907 -68.9296875 124.3203125 C-69.59669678 123.69519775 -70.26370605 123.07008301 -70.95092773 122.42602539 C-72.23562561 121.22090079 -73.51907812 120.01444662 -74.80102539 118.80639648 C-78.43325956 115.40021647 -82.14322323 112.15019171 -86 109 C-85.55853858 104.18807053 -83.24708228 101.5159053 -80.125 98.0625 C-79.1149636 96.90949645 -78.10721923 95.75448176 -77.1015625 94.59765625 C-76.5849707 94.00484863 -76.06837891 93.41204102 -75.53613281 92.80126953 C-73.09643661 89.94048145 -70.79951031 86.97376225 -68.5 84 C-64.93391908 79.40824266 -61.28166813 74.91586093 -57.5 70.5 C-53.78762004 66.16243925 -50.19285464 61.75651968 -46.6875 57.25 C-42.00588733 51.23319207 -37.19293791 45.33522988 -32.33496094 39.46020508 C-28.34693136 34.63707994 -24.38065904 29.79738073 -20.4375 24.9375 C-19.91397949 24.29240479 -19.39045898 23.64730957 -18.85107422 22.98266602 C-17.23361619 20.98879494 -15.61674721 18.99444748 -14 17 C-11.58406526 14.02023877 -9.16724639 11.04119723 -6.75 8.0625 C-6.18853271 7.36954834 -5.62706543 6.67659668 -5.04858398 5.96264648 C-1.11283235 1.11283235 -1.11283235 1.11283235 0 0 Z " fill="#FEFEFE" transform="translate(2250,3065)"/>
<path d="M0 0 C5.71169442 32.1450802 10.9507309 64.39482418 15.62426758 96.70727539 C17.10358443 106.88454293 18.75840471 117.03266803 20.42651367 127.18041992 C20.63123291 128.43185791 20.83595215 129.6832959 21.046875 130.97265625 C21.23088867 132.08906494 21.41490234 133.20547363 21.60449219 134.35571289 C22 137 22 137 22 139 C15.75257232 141.13697619 9.46841064 143.07371987 3.12109375 144.890625 C2.20017441 145.15592514 1.27925507 145.42122528 0.33042908 145.69456482 C-2.63340028 146.54805602 -5.59794723 147.39902535 -8.5625 148.25 C-11.64295342 149.13644186 -14.72321776 150.02353853 -17.8034668 150.91069031 C-19.81756662 151.49074401 -21.83172618 152.0705903 -23.84594727 152.65022278 C-30.77743024 154.64538773 -37.7035552 156.65776562 -44.625 158.6875 C-55.74119757 161.94300879 -66.87997747 165.11925029 -78.02197266 168.28515625 C-84.84992389 170.22740327 -91.67009251 172.18774441 -98.46875 174.23046875 C-99.58314453 174.56369141 -100.69753906 174.89691406 -101.84570312 175.24023438 C-103.89351819 175.85521289 -105.93924409 176.4772079 -107.98242188 177.10742188 C-109.32143555 177.50864258 -109.32143555 177.50864258 -110.6875 177.91796875 C-111.45449219 178.15281982 -112.22148438 178.3876709 -113.01171875 178.62963867 C-115 179 -115 179 -118 178 C-119.12817383 175.70385742 -119.12817383 175.70385742 -120.20703125 172.60546875 C-120.62122314 171.44136475 -121.03541504 170.27726074 -121.4621582 169.07788086 C-121.68102692 168.44687469 -121.89989563 167.81586853 -122.12539673 167.16574097 C-123.31821322 163.73149963 -124.55178467 160.31188043 -125.78125 156.890625 C-126.04065872 156.16608627 -126.30006744 155.44154755 -126.56733704 154.6950531 C-129.49635628 146.5495757 -132.65051506 138.49471666 -135.8125 130.4375 C-140.70402045 117.94587821 -145.51678421 105.42747919 -150.25 92.875 C-151.40740295 89.8059333 -152.56485591 86.73688556 -153.72265625 83.66796875 C-154.13892273 82.5645665 -154.13892273 82.5645665 -154.56359863 81.43887329 C-157.63716666 73.29985751 -160.75980673 65.17999144 -163.89355469 57.06396484 C-164.61188674 55.20351619 -165.32655778 53.34164754 -166.03662109 51.47802734 C-166.65406317 49.88982738 -167.29563775 48.31067603 -167.96728516 46.74462891 C-169.80903996 42.33835272 -170.51141363 39.56925433 -169 35 C-167.43987064 31.90861886 -165.6571473 28.99109025 -163.8125 26.0625 C-163.10770508 24.90331055 -163.10770508 24.90331055 -162.38867188 23.72070312 C-160.97035085 21.43165296 -159.56275422 19.19414246 -158 17 C-157.60882492 16.40951874 -157.21764984 15.81903748 -156.81462097 15.21066284 C-154.83729914 12.52043813 -153.20947768 10.42190782 -149.99455261 9.3004303 C-147.46637043 8.94401069 -145.00181388 8.81985882 -142.44921875 8.75 C-140.28433254 8.62908358 -138.11945718 8.50797261 -135.95458984 8.38671875 C-134.09492584 8.30043213 -134.09492584 8.30043213 -132.19769287 8.21240234 C-127.45360452 7.98439871 -122.71710386 7.65962916 -117.97900391 7.33203125 C-116.14804412 7.20592467 -114.31708091 7.07986782 -112.4861145 6.95385742 C-111.55017582 6.88943451 -110.61423714 6.8250116 -109.64993668 6.75863647 C-104.75361948 6.4252298 -99.85632276 6.10706035 -94.95898438 5.7890625 C-93.4640681 5.69189186 -93.4640681 5.69189186 -91.93895149 5.59275818 C-89.91206406 5.46106493 -87.88517234 5.32943772 -85.85827637 5.19787598 C-77.84495861 4.67727207 -69.83190349 4.15263303 -61.81881332 3.62854004 C-58.91847477 3.4390642 -56.01809373 3.25024945 -53.1177063 3.06152344 C-44.72999248 2.51469862 -36.34301733 1.96116465 -27.95849609 1.3671875 C-27.27601523 1.31903397 -26.59353437 1.27088043 -25.89037228 1.2212677 C-22.82039268 1.004263 -19.7507003 0.78410744 -16.68135071 0.55834961 C-11.10251833 0.15967151 -5.59314918 -0.08762334 0 0 Z " fill="#FEFEFE" transform="translate(1219,1415)"/>
<path d="M0 0 C0.81275391 0.18651123 1.62550781 0.37302246 2.46289062 0.56518555 C5.35996549 1.23742495 8.24207696 1.95700856 11.125 2.6875 C12.72106079 3.0889624 12.72106079 3.0889624 14.34936523 3.49853516 C21.80102876 5.39237713 29.19174313 7.45132053 36.57080078 9.6081543 C44.50436567 11.90603517 52.49746381 13.95903313 60.5 16 C70.01476654 18.42738028 79.48755723 20.94595047 88.91210938 23.70654297 C98.18410816 26.39484175 107.5440831 28.75067217 116.90429688 31.109375 C125.01793365 33.17024712 133.02432172 35.45632352 141 38 C139.38865916 48.92537917 137.72990605 59.84272485 136 70.75 C135.76941895 72.2184436 135.76941895 72.2184436 135.53417969 73.71655273 C134.52425532 80.04426207 133.38689996 86.34069775 132.19195557 92.63601685 C130.77614984 100.12268585 129.4802232 107.62935782 128.18093872 115.13696289 C124.60442571 135.78606369 120.83732405 156.39795891 117 177 C107.70332663 177.12710938 98.46485985 176.72668699 89.1875 176.1953125 C87.66434583 176.11067808 86.14117227 176.02639194 84.61798096 175.94242859 C81.40379358 175.76478472 78.18971242 175.58537334 74.97570801 175.40444946 C66.6248809 174.93465473 58.27340634 174.47661011 49.921875 174.01953125 C49.09840324 173.97437819 48.27493149 173.92922512 47.42650604 173.88270378 C31.66236764 173.01969881 15.89495077 172.25956003 0.12109375 171.59619141 C-8.93444818 171.2119975 -17.96277692 170.70996337 -27 170 C-28.72404572 141.02660786 -29.7505847 112.03946179 -30.67556763 83.03076172 C-30.92705444 75.15921777 -31.20153173 67.28895286 -31.49682617 59.41894531 C-31.61835063 55.99959416 -31.71518144 52.58047413 -31.8046875 49.16015625 C-31.91848528 44.84475253 -32.15442867 40.55303115 -32.4453125 36.24609375 C-33.27749098 21.18344076 -33.27749098 21.18344076 -30.0390625 15.6484375 C-27.19716506 12.95655224 -24.33660152 11.0416268 -21 9 C-19.7877734 8.0710691 -18.58753342 7.12633028 -17.3984375 6.16796875 C-16.18415279 5.21377266 -14.96803512 4.26190402 -13.75 3.3125 C-12.90187744 2.64081787 -12.90187744 2.64081787 -12.03662109 1.95556641 C-7.61892536 -1.25063897 -5.20237709 -1.29251605 0 0 Z " fill="#FEFEFE" transform="translate(1344,1133)"/>
<path d="M0 0 C1.32516453 0.89584066 2.64004089 1.80701973 3.94628906 2.73022461 C4.66667862 3.22264648 5.38706818 3.71506836 6.12928772 4.22241211 C8.49914699 5.84647987 10.85520973 7.48948368 13.21191406 9.13256836 C14.86806738 10.27195088 16.52522717 11.40987173 18.18334961 12.54638672 C21.60060161 14.89063185 25.01317202 17.24146101 28.42236328 19.59741211 C35.29770129 24.34304294 42.21911003 29.02005602 49.14349365 33.69369507 C51.27038706 35.12984918 53.39588555 36.56804526 55.52099609 38.00683594 C64.82263398 44.30248658 74.15731763 50.54619569 83.51123047 56.76391602 C91.55352623 62.11559594 99.52445809 67.56446796 107.46191406 73.07006836 C108.74954614 73.9608789 110.03730701 74.8515033 111.32519531 75.74194336 C114.37223007 77.84921224 117.41760597 79.95886155 120.46191406 82.07006836 C119.14793014 86.37281573 117.48407918 90.1245541 115.29394531 94.05053711 C114.65585938 95.20038086 114.01777344 96.35022461 113.36035156 97.53491211 C112.66511499 98.77584007 111.9698004 100.01672432 111.27441406 101.25756836 C110.55127955 102.55678144 109.82863109 103.85626517 109.10644531 105.15600586 C107.62041051 107.82860181 106.1315606 110.49959714 104.64013672 113.16918945 C102.01474585 117.86883455 99.40142143 122.57513464 96.78808594 127.28149414 C95.56468242 129.48460181 94.34071864 131.68739844 93.11621094 133.88989258 C88.48892098 142.21343067 83.87616681 150.54489263 79.27441406 158.88256836 C78.93951965 159.48920319 78.60462524 160.09583801 78.25958252 160.72085571 C74.82153281 166.9503265 71.39371727 173.18507281 67.99707031 179.43725586 C67.19209106 180.91875122 67.19209106 180.91875122 66.37084961 182.43017578 C65.39230178 184.2338623 64.41569782 186.03860572 63.44165039 187.84472656 C60.27478408 193.68655825 56.92133995 199.39682038 53.46191406 205.07006836 C48.45424689 204.4523696 44.0653923 202.89729574 39.42675781 200.99975586 C38.64902512 200.6872287 37.87129242 200.37470154 37.06999207 200.05270386 C34.51076314 199.02259443 31.95512514 197.9838714 29.39941406 196.94506836 C27.5889145 196.21440437 25.77820141 195.4842693 23.96728516 194.75463867 C18.46226209 192.53439485 12.9618106 190.30297443 7.46191406 188.07006836 C5.8973355 187.43553623 4.33272153 186.80109138 2.76806641 186.16674805 C1.29491965 185.56942281 -0.17822492 184.97209217 -1.65136719 184.37475586 C-2.37659073 184.08069351 -3.10181427 183.78663116 -3.84901428 183.48365784 C-7.50522107 182.00077618 -11.16063356 180.51598727 -14.81469727 179.02783203 C-24.16992488 175.22193398 -33.54655109 171.47303853 -42.93652344 167.75366211 C-45.25313722 166.83417855 -47.56970628 165.91458231 -49.88623047 164.99487305 C-53.32633617 163.62911549 -56.76729002 162.26575443 -60.21136475 160.91003418 C-63.41123047 159.6503789 -66.60773168 158.3825141 -69.80371094 157.11303711 C-70.77472748 156.73352402 -71.74574402 156.35401093 -72.7461853 155.96299744 C-73.6291629 155.61056473 -74.5121405 155.25813202 -75.421875 154.89501953 C-76.19629944 154.58940598 -76.97072388 154.28379242 -77.76861572 153.96891785 C-79.53808594 153.07006836 -79.53808594 153.07006836 -80.53808594 151.07006836 C-80.18017578 149.16918945 -80.18017578 149.16918945 -79.49902344 146.84350586 C-79.12197266 145.54026367 -79.12197266 145.54026367 -78.73730469 144.21069336 C-78.32931641 142.84170898 -78.32931641 142.84170898 -77.91308594 141.44506836 C-77.66429687 140.58655273 -77.41550781 139.72803711 -77.15917969 138.84350586 C-75.59673784 133.49544619 -73.9500418 128.17553097 -72.28027344 122.86010742 C-69.6743303 114.54153602 -67.12830031 106.20523756 -64.59349442 97.86475754 C-63.80214387 95.26124169 -63.00987618 92.65800642 -62.21737671 90.05484009 C-59.96784059 82.66529069 -57.71945112 75.27539311 -55.47265625 67.88500977 C-54.91373957 66.04695559 -54.35482032 64.2089022 -53.79589844 62.37084961 C-53.52212749 61.47012348 -53.24835655 60.56939735 -52.96628952 59.6413765 C-51.61794604 55.20808748 -50.26492949 50.77632278 -48.90167236 46.34759521 C-48.38358691 44.66363954 -47.86557975 42.97965979 -47.34765625 41.2956543 C-47.10003162 40.49083996 -46.852407 39.68602562 -46.59727859 38.85682297 C-45.16229169 34.1724289 -43.79066932 29.476619 -42.47070312 24.75854492 C-42.17167084 23.72468658 -41.87263855 22.69082825 -41.56454468 21.62564087 C-41.04750727 19.83205913 -40.55224611 18.03193807 -40.08706665 16.22421265 C-38.80225073 11.86559006 -37.51314539 9.65215548 -33.64648438 7.15087891 C-30.70850312 5.56986925 -27.74224515 4.16051997 -24.59277344 3.05053711 C-23.74328125 2.75083008 -22.89378906 2.45112305 -22.01855469 2.14233398 C-21.15875 1.85036133 -20.29894531 1.55838867 -19.41308594 1.25756836 C-18.54554687 0.94625977 -17.67800781 0.63495117 -16.78417969 0.31420898 C-5.73719406 -3.51104098 -5.73719406 -3.51104098 0 0 Z " fill="#FEFEFE" transform="translate(1695.5380859375,944.929931640625)"/>
<path d="M0 0 C1.07359646 0.05861773 2.14719292 0.11723545 3.2533226 0.17762947 C4.48120499 0.24212288 5.70908737 0.30661629 6.97417831 0.37306404 C8.3478106 0.45057144 9.72143712 0.52818112 11.09505844 0.60588264 C12.5321987 0.68337665 13.96936372 0.76041264 15.40655136 0.83702278 C19.32486613 1.04724445 23.242794 1.26402596 27.16068363 1.48200941 C31.26505867 1.70934428 35.36974191 1.93097234 39.47439194 2.15327644 C46.38167058 2.52819054 53.28872529 2.90702166 60.19564438 3.28849983 C69.02870228 3.77634546 77.86208119 4.2580912 86.69558716 4.73774719 C94.31264678 5.15137492 101.92956499 5.56758509 109.54645443 5.98433352 C111.980616 6.11743877 114.41479356 6.25024897 116.84897232 6.38303947 C120.70018798 6.59332195 124.55131203 6.80521637 128.40237427 7.01828957 C129.80626279 7.0957602 131.21017713 7.17276477 132.61412048 7.24923515 C135.76172528 7.42084213 138.90855551 7.59963922 142.05498123 7.79180717 C144.4683819 7.93408019 146.88321454 8.05349887 149.2987709 8.15265465 C150.46121071 8.21247898 151.62365051 8.27230331 152.82131577 8.33394051 C153.85109921 8.3779455 154.88088264 8.42195049 155.94187164 8.46728897 C159.10981636 9.10279374 160.14615226 10.04403454 162.13705063 12.53605843 C163.02588598 14.01832595 163.8683221 15.529318 164.66439438 17.06340218 C165.09687485 17.80267952 165.52935532 18.54195686 165.97494125 19.30363655 C167.2457708 21.50782194 168.42476459 23.74560703 169.60189438 26.00090218 C170.00778793 26.70456917 170.41368149 27.40823616 170.83187485 28.13322639 C171.20844223 28.81014534 171.58500961 29.48706429 171.97298813 30.18449593 C172.31128647 30.77673958 172.64958481 31.36898323 172.99813461 31.97917366 C174.49847475 37.00315939 171.90886743 42.35191601 170.23080063 47.07512093 C169.99302399 47.74797127 169.75524734 48.42082161 169.51026535 49.11406136 C168.73340286 51.30735597 167.94910842 53.49790569 167.16439438 55.68840218 C166.61955857 57.22062499 166.07496491 58.75293393 165.53060532 60.285326 C161.8161202 70.71708156 157.99506381 81.10687137 154.12289047 91.48112679 C149.33608182 104.33488192 144.78935762 117.27563389 140.52743149 130.31315804 C138.60565695 136.19175232 136.45708904 141.86322327 133.98861313 147.53215218 C132.84489435 150.39306 131.83587107 153.23375933 130.87142563 156.15715218 C130.56833481 157.06763313 130.26524399 157.97811409 129.9529686 158.91618538 C129.35078071 160.7435086 128.76220786 162.57538313 128.18832016 164.41179085 C127.91101059 165.24943977 127.63370102 166.0870887 127.34798813 166.95012093 C127.10749741 167.70639778 126.86700668 168.46267464 126.61922836 169.24186897 C125.60189438 171.00090218 125.60189438 171.00090218 123.71273422 171.80314827 C120.23248313 172.12919539 117.0841194 170.93954578 113.78939438 169.93840218 C112.16496355 169.46509018 110.53993274 168.99383387 108.91439438 168.52433968 C107.62082016 168.14873909 107.62082016 168.14873909 106.30111313 167.76555061 C101.65217492 166.44857572 96.96964956 165.2632652 92.28939438 164.06340218 C84.79707837 162.13086529 77.34468195 160.09692535 69.91439438 157.93840218 C62.35241578 155.7423498 54.76105945 153.7604689 47.11190414 151.89299202 C40.27215637 150.20732256 33.51780423 148.27885104 26.75619125 146.30607796 C18.89865753 144.03634995 10.9769726 142.07139055 3.03451157 140.12370491 C-4.20117345 138.33624038 -11.32169301 136.3504923 -18.39810562 134.00090218 C-18.61865956 126.10378635 -17.75593116 118.4540386 -16.78873062 110.62590218 C-16.61848816 109.21572036 -16.44871957 107.80548127 -16.27939224 106.39518929 C-15.83189651 102.67880582 -15.37803063 98.96322778 -14.92276382 95.24778938 C-14.4758497 91.5917339 -14.03485464 87.93496608 -13.59341812 84.27824593 C-12.80126386 77.72364317 -12.00400442 71.16967383 -11.2044611 64.6159687 C-10.29766687 57.18156728 -9.39601569 49.74654518 -8.49518967 42.31141853 C-8.24773706 40.26918044 -8.00015472 38.22695812 -7.75253677 36.18474007 C-6.40348294 25.05517906 -5.0615673 13.9247632 -3.72354507 2.79387093 C-3.2187224 0.01261234 -2.87203126 0.00108047 0 0 Z " fill="#FEFEFE" transform="translate(2922.398105621338,1400.9990978240967)"/>
<path d="M0 0 C2.51700557 2.27650694 3.96232817 4.53350295 5.49609375 7.55078125 C5.96547363 8.46448486 6.43485352 9.37818848 6.91845703 10.31958008 C7.41974121 11.30724365 7.92102539 12.29490723 8.4375 13.3125 C12.40834885 21.03239278 16.43689815 28.70824653 20.625 36.3125 C25.78247576 45.70048811 30.81040489 55.15368308 35.8125 64.625 C41.57568103 75.53624646 47.35564939 86.43777518 53.1875 97.3125 C53.77442627 98.4070752 54.36135254 99.50165039 54.96606445 100.62939453 C55.52769287 101.67595215 56.08932129 102.72250977 56.66796875 103.80078125 C57.47500244 105.31792725 57.47500244 105.31792725 58.29833984 106.86572266 C59.51866639 109.1134346 60.76287367 111.32773233 62.04931641 113.53662109 C62.3836116 114.12275681 62.7179068 114.70889252 63.06233215 115.31278992 C63.99874678 116.95188774 64.95071549 118.58207093 65.90356445 120.21166992 C67 123 67 123 66.37792969 125.22387695 C64.09978968 128.1603526 61.01327223 129.99012186 57.9375 132 C56.47191543 132.98196815 55.00709557 133.96507841 53.54296875 134.94921875 C52.78806152 135.45372559 52.0331543 135.95823242 51.25537109 136.47802734 C47.71429693 138.86761994 44.23243471 141.33857179 40.75 143.8125 C34.5752297 148.18498963 28.38731016 152.53808317 22.1875 156.875 C21.353396 157.45854248 20.51929199 158.04208496 19.65991211 158.64331055 C16.2530646 161.0263047 12.84576013 163.40864503 9.43847656 165.79101562 C0.71960015 171.88789902 -7.99650969 177.9884051 -16.6875 184.125 C-17.37013916 184.60662598 -18.05277832 185.08825195 -18.75610352 185.58447266 C-22.37375812 188.1385651 -25.98511637 190.70112835 -29.58984375 193.2734375 C-30.34885986 193.81339355 -31.10787598 194.35334961 -31.88989258 194.90966797 C-33.33044432 195.93465476 -34.76922534 196.96213701 -36.20581055 197.99267578 C-40.34710251 200.93513258 -44.54908773 203.54910805 -49 206 C-55.67460471 198.35566911 -62.30406 190.69608738 -68.69140625 182.80859375 C-71.41344091 179.4970152 -74.20139731 176.24686941 -77 173 C-80.55457492 168.875357 -84.06792298 164.72792096 -87.5 160.5 C-91.88712902 155.09923828 -96.41223412 149.825323 -100.94921875 144.55078125 C-107.19427321 137.28968997 -113.3963115 129.99446571 -119.4375 122.5625 C-123.38784815 117.70759986 -127.44977948 112.95789919 -131.53637695 108.21801758 C-135.52645125 103.57993315 -139.41332801 98.86921294 -143.2578125 94.109375 C-144.97777519 91.95895522 -144.97777519 91.95895522 -147 90 C-147.20021222 83.70556448 -145.26414498 77.23050706 -143.6875 71.1875 C-143.38682617 69.93936523 -143.38682617 69.93936523 -143.08007812 68.66601562 C-142.87189453 67.86228516 -142.66371094 67.05855469 -142.44921875 66.23046875 C-142.26705811 65.51270264 -142.08489746 64.79493652 -141.8972168 64.05541992 C-139.41469527 58.36825019 -134.37841178 56.56570265 -129.00390625 54.33984375 C-128.20050812 53.99797028 -127.39710999 53.6560968 -126.56936646 53.30386353 C-123.90423311 52.17246382 -121.23347869 51.05502221 -118.5625 49.9375 C-116.67191763 49.13814941 -114.78170607 48.33792131 -112.8918457 47.53686523 C-107.92224132 45.43299703 -102.94789225 43.34058397 -97.97253418 41.25036621 C-93.24154551 39.26032404 -88.51537141 37.25893744 -83.7890625 35.2578125 C-75.42762064 31.7192596 -67.06231787 28.18995464 -58.69514465 24.66497803 C-51.57227538 21.66379288 -44.45169709 18.65721359 -37.33203125 15.6484375 C-35.24715234 14.7674952 -33.16227279 13.88655443 -31.07739258 13.00561523 C-28.06261223 11.73172844 -25.0478757 10.45773857 -22.03329468 9.18338013 C-19.27238235 8.01634412 -16.51121934 6.84990315 -13.75 5.68359375 C-12.93445145 5.33867889 -12.11890289 4.99376404 -11.27864075 4.63839722 C-7.53253904 3.05666166 -3.78340433 1.49113423 0 0 Z " fill="#FEFEFE" transform="translate(1045,1732)"/>
<path d="M0 0 C2.99723522 1.36540716 4.96794546 3.3214274 7.359375 5.5859375 C7.87314697 6.06812744 8.38691895 6.55031738 8.91625977 7.04711914 C10.04555107 8.10824195 11.17179577 9.17261387 12.29541016 10.23974609 C14.85457996 12.66802969 17.43162763 15.07704842 20.00708008 17.48803711 C22.06127224 19.41192145 24.11269446 21.33873021 26.1640625 23.265625 C29.65039305 26.5360628 33.15523447 29.78564473 36.671875 33.0234375 C44.49394816 40.22603634 52.25759556 47.49092552 60.02539062 54.75195312 C66.53780551 60.83863302 73.05492528 66.91951483 79.609375 72.9609375 C80.65756081 73.92967806 81.70573778 74.89842818 82.75390625 75.8671875 C85.22217813 78.14719505 87.70163736 80.4145898 90.18359375 82.6796875 C91.55486344 83.93991275 92.9259602 85.20032619 94.296875 86.4609375 C94.94527344 87.04875 95.59367187 87.6365625 96.26171875 88.2421875 C96.865 88.7990625 97.46828125 89.3559375 98.08984375 89.9296875 C98.62504639 90.41888672 99.16024902 90.90808594 99.71166992 91.41210938 C101.2674194 93.13607002 102.16340656 94.8498024 103.109375 96.9609375 C102.52671875 97.70214844 101.9440625 98.44335938 101.34375 99.20703125 C95.97917755 106.08052859 90.85565288 113.08670386 85.85888672 120.23144531 C81.97989585 125.763716 78.00487511 131.21828594 73.984375 136.6484375 C69.55824686 142.62811922 65.17014673 148.62926853 60.86010742 154.69311523 C57.52744872 159.38154627 54.16668889 164.04914555 50.796875 168.7109375 C50.25111816 169.46608643 49.70536133 170.22123535 49.14306641 170.99926758 C46.90346267 174.09750638 44.66313852 177.19522396 42.42285156 180.29296875 C35.2875486 190.16049987 28.17357502 200.04235418 21.109375 209.9609375 C17.35707103 208.56466218 14.02991626 206.84325364 10.59375 204.79296875 C8.98415405 203.83596069 8.98415405 203.83596069 7.34204102 202.85961914 C6.18108338 202.1643404 5.0201966 201.46894333 3.859375 200.7734375 C2.64591133 200.04978151 1.43228566 199.3263971 0.21850586 198.60327148 C-2.89197965 196.74877669 -5.9997013 194.88970533 -9.10650635 193.02905273 C-11.81852648 191.40542192 -14.53252348 189.78510085 -17.24609375 188.1640625 C-25.73556039 183.08573638 -34.21357118 177.98923348 -42.66015625 172.83984375 C-44.98690225 171.42174874 -47.3137151 170.00376355 -49.640625 168.5859375 C-50.50631607 168.05830811 -50.50631607 168.05830811 -51.38949585 167.52001953 C-59.96399364 162.29809735 -68.59309207 157.17738842 -77.26486206 152.11877441 C-81.43006297 149.68653833 -85.58737298 147.2408022 -89.74658203 144.79833984 C-92.55585625 143.15657887 -95.37598807 141.53554153 -98.19921875 139.91796875 C-99.65962686 139.05860344 -101.11934014 138.19805544 -102.578125 137.3359375 C-103.53090332 136.80625366 -103.53090332 136.80625366 -104.50292969 136.26586914 C-107.74366502 134.31320131 -108.84425162 133.08164468 -110.21875 129.50390625 C-110.44046875 128.33472656 -110.6621875 127.16554688 -110.890625 125.9609375 C-111.08785156 125.10371094 -111.28507813 124.24648437 -111.48828125 123.36328125 C-111.82206863 121.59336663 -112.11704612 119.81596743 -112.38671875 118.03515625 C-112.8444097 114.8994739 -112.8444097 114.8994739 -113.80078125 111.66796875 C-114.64205703 107.59950391 -114.85679129 105.02742406 -113.890625 100.9609375 C-110.16356101 95.71606464 -105.03307202 91.6997947 -100.04785156 87.70214844 C-94.8744234 83.52640266 -89.94858014 79.04095927 -85.015625 74.5859375 C-84.17257812 73.82539063 -83.32953125 73.06484375 -82.4609375 72.28125 C-81.61273437 71.51554687 -80.76453125 70.74984375 -79.890625 69.9609375 C-78.22421649 68.46065071 -76.55755147 66.96064878 -74.890625 65.4609375 C-74.065625 64.7184375 -73.240625 63.9759375 -72.390625 63.2109375 C-64.890625 56.4609375 -64.890625 56.4609375 -62.3984375 54.21875 C-60.70469606 52.69385506 -59.01201331 51.16778348 -57.3203125 49.640625 C-53.57498244 46.26181042 -49.82544293 42.89197785 -46.015625 39.5859375 C-42.04809776 36.13242189 -38.1821486 32.5708981 -34.31298828 29.00830078 C-30.9261794 25.89508706 -27.49164956 22.84849212 -24.015625 19.8359375 C-21.27236835 17.41541692 -18.58275274 14.93789518 -15.890625 12.4609375 C-14.85943992 11.51815815 -13.82819108 10.57544854 -12.796875 9.6328125 C-11.01191296 7.99179901 -9.23827202 6.33823693 -7.484375 4.6640625 C-6.7934375 4.01953125 -6.1025 3.375 -5.390625 2.7109375 C-4.8028125 2.14890625 -4.215 1.586875 -3.609375 1.0078125 C-1.890625 -0.0390625 -1.890625 -0.0390625 0 0 Z " fill="#FEFEFE" transform="translate(985.890625,2089.0390625)"/>
<path d="M0 0 C0.55945312 1.0209375 1.11890625 2.041875 1.6953125 3.09375 C6.5928141 11.98948855 11.60974358 20.80470747 16.75 29.5625 C21.5967522 37.82295978 26.34295101 46.1311511 31 54.5 C36.09457815 63.6506625 41.30452198 72.72447424 46.6027832 81.75854492 C49.77830385 87.17847173 52.93300045 92.60920472 56.05078125 98.0625 C56.39239792 98.65988983 56.73401459 99.25727966 57.08598328 99.87277222 C58.80017678 102.87370245 60.50831323 105.87790226 62.20776367 108.88720703 C65.22467834 114.21910776 68.27933854 119.50594149 71.5625 124.6796875 C72.36071167 125.9629895 72.36071167 125.9629895 73.17504883 127.2722168 C74.14668809 128.82385961 75.14222967 130.3609262 76.16674805 131.87817383 C77.94718406 134.75337632 79.17509612 136.74736772 78.69555664 140.17797852 C77.9212247 142.51828923 76.96835696 144.73395371 76 147 C75.58369691 148.58169022 75.17882419 150.16643097 74.78515625 151.75390625 C72.94393081 157.46444973 70.68936066 162.11883311 66 166 C56.95884209 169.96076678 46.97121552 171.22694857 37.28330994 172.77323914 C29.72543131 173.98623316 22.35170586 175.72063098 14.9364624 177.60345459 C11.52655709 178.46615306 8.10876555 179.29632381 4.69140625 180.12890625 C4.03640137 180.28915283 3.38139648 180.44939941 2.70654297 180.61450195 C-5.6543962 182.65654086 -14.04398389 184.57226509 -22.43359375 186.4921875 C-27.22067245 187.58792759 -32.0039266 188.69936411 -36.78515625 189.8203125 C-37.44859543 189.9757402 -38.11203461 190.13116791 -38.795578 190.29130554 C-42.00625281 191.04366896 -45.21660667 191.79734266 -48.42651367 192.55297852 C-54.48986938 193.97384997 -60.55912278 195.36580072 -66.640625 196.70703125 C-67.76500977 196.95557861 -68.88939453 197.20412598 -70.04785156 197.46020508 C-73 198 -73 198 -77 198 C-77.27972656 197.01644531 -77.55945312 196.03289063 -77.84765625 195.01953125 C-80.13499078 187.06565949 -82.56776132 179.18021331 -85.21875 171.33984375 C-89.07588955 159.84693 -92.76305499 148.30236292 -96.4375 136.75 C-100.76699273 123.14071883 -105.13132339 109.54569196 -109.6328125 95.9921875 C-110.38229959 93.72820889 -111.13173079 91.46421178 -111.88110352 89.20019531 C-112.96481891 85.92731149 -114.0521227 82.65585698 -115.15109253 79.38806152 C-116.16310705 76.37880408 -117.16273979 73.36568379 -118.16015625 70.3515625 C-118.46450592 69.45911835 -118.76885559 68.56667419 -119.08242798 67.64718628 C-119.35179169 66.82598297 -119.6211554 66.00477966 -119.89868164 65.15869141 C-120.13688126 64.44790436 -120.37508087 63.73711731 -120.62049866 63.00479126 C-121.07167308 60.62137269 -120.9060452 59.24649613 -120 57 C-117.75785743 55.56227425 -115.6634307 54.41317835 -113.2734375 53.27734375 C-112.22538437 52.7589669 -112.22538437 52.7589669 -111.15615845 52.2301178 C-108.90200557 51.11931233 -106.63886907 50.02834359 -104.375 48.9375 C-102.93557859 48.23107826 -101.49677002 47.52340635 -100.05859375 46.81445312 C-91.73881262 42.72690317 -83.36996378 38.7416808 -75.00390625 34.75 C-63.26791568 29.15009824 -51.58679077 23.44062337 -39.91479492 17.70874023 C-36.51342208 16.03839889 -33.1112696 14.36965391 -29.70898438 12.70117188 C-27.51558099 11.6250897 -25.32222 10.54892112 -23.12890625 9.47265625 C-21.62572594 8.73511864 -21.62572594 8.73511864 -20.09217834 7.98268127 C-19.14596115 7.51796921 -18.19974396 7.05325714 -17.22485352 6.57446289 C-16.3326712 6.13820587 -15.44048889 5.70194885 -14.52127075 5.25247192 C-12.89541071 4.44480616 -11.27833006 3.61909735 -9.67282104 2.771698 C-6.10503498 0.8959312 -4.11529588 0 0 0 Z " fill="#FEFEFE" transform="translate(3115,2420)"/>
<path d="M0 0 C2.42545293 1.50628187 4.46952987 3.3160855 6.5625 5.25 C7.64699141 6.21370375 8.73162612 7.17724626 9.81640625 8.140625 C10.51938843 8.78306152 10.51938843 8.78306152 11.23657227 9.43847656 C13.1429216 11.19133023 13.1429216 11.19133023 16.08520508 13.11480713 C18.77380928 15.37207105 18.97096213 15.82905852 19.6000824 19.53259277 C19.56382003 20.93104998 19.49475534 22.32888495 19.40014648 23.72460938 C19.34506197 25.34919489 19.29021502 26.97378847 19.23556519 28.59838867 C19.17508562 29.90741653 19.17508562 29.90741653 19.11338425 31.2428894 C18.9548099 35.09886614 18.91543578 38.95352664 18.87011814 42.81224823 C18.80334484 48.34396756 18.69655308 53.87502779 18.59765625 59.40625 C18.55517044 61.82604909 18.5127264 64.24584891 18.47032166 66.66564941 C18.38151344 71.70827318 18.29137929 76.75087128 18.20043945 81.79345703 C18.08498519 88.20772949 17.97413018 94.62207245 17.86443424 101.03644562 C17.77839117 106.02464013 17.68923274 111.01277557 17.59924126 116.00090027 C17.55709091 118.36400938 17.51602051 120.72713805 17.4761219 123.09028625 C17.24978244 136.41553851 16.87346261 149.7002769 16 163 C15.25706696 163.05153732 14.51413391 163.10307465 13.74868774 163.15617371 C4.84178961 163.77451478 -4.06489316 164.39590247 -12.97143936 165.01929092 C-14.56884479 165.13108261 -16.16625433 165.24281546 -17.76366806 165.35448837 C-36.53261232 166.66682726 -55.29898042 168.0051269 -74.05859375 169.4453125 C-75.19432705 169.53234782 -75.19432705 169.53234782 -76.35300446 169.62114143 C-83.63033795 170.17900847 -90.90736991 170.74040341 -98.18354321 171.31321716 C-100.21056475 171.47228548 -102.23770696 171.62970351 -104.26490784 171.78646851 C-106.71611393 171.97626724 -109.16709646 172.16898856 -111.61778259 172.36538696 C-118.09472181 172.86355114 -124.50402454 173.12094499 -131 173 C-133.73006547 162.43701041 -136.16636585 151.84148246 -138.37667847 141.15805054 C-139.06806026 137.81707049 -139.76694164 134.4776696 -140.46513367 131.1381073 C-140.98903152 128.63144648 -141.51186616 126.12456539 -142.03466797 123.61767578 C-143.31816167 117.47054912 -144.62219692 111.32789591 -145.9375 105.1875 C-146.16574463 104.12088135 -146.39398926 103.0542627 -146.62915039 101.95532227 C-148.17396423 94.76689993 -149.75015092 87.58572644 -151.3359375 80.40625 C-151.53991653 79.48161453 -151.74389557 78.55697906 -151.95405579 77.60432434 C-152.97173247 72.99155252 -153.99202453 68.37939194 -155.01733398 63.76831055 C-155.3931686 62.0682192 -155.76890546 60.36810624 -156.14453125 58.66796875 C-156.40349686 57.51035034 -156.40349686 57.51035034 -156.66769409 56.3293457 C-157.64327597 51.89897725 -158.41592064 47.49923051 -159 43 C-148.55433351 39.56425669 -138.07168771 36.42704691 -127.4375 33.625 C-118.55603114 31.28238382 -109.76372831 28.75032603 -101 26 C-91.23904258 22.93821451 -81.43002779 20.18269528 -71.5390625 17.57421875 C-63.53569407 15.45028503 -55.62638848 13.09383587 -47.72021484 10.63574219 C-39.07282871 7.97015348 -30.35114834 5.6138125 -21.6015625 3.30859375 C-20.56644531 3.0353125 -19.53132813 2.76203125 -18.46484375 2.48046875 C-17.49788574 2.22700684 -16.53092773 1.97354492 -15.53466797 1.71240234 C-12.84185886 0.99666937 -12.84185886 0.99666937 -9.69140625 -0.26171875 C-6.01972804 -1.26889898 -3.67568481 -0.99101336 0 0 Z " fill="#FEFEFE" transform="translate(2809,1124)"/>
<path d="M0 0 C3.24924472 1.24829074 5.65947495 2.28679465 8.1640625 4.72265625 C8.72295166 5.25640869 9.28184082 5.79016113 9.85766602 6.34008789 C10.44088623 6.90848389 11.02410645 7.47687988 11.625 8.0625 C15.82228801 12.06219108 20.02836314 15.94051696 24.5625 19.5625 C29.94972087 23.87704415 34.97067961 28.52371102 40.015625 33.2265625 C44.63353761 37.53105514 49.40761607 41.64312405 54.2109375 45.73828125 C55.41162041 46.76283092 56.61213621 47.78757646 57.8125 48.8125 C58.41868164 49.32981689 59.02486328 49.84713379 59.64941406 50.38012695 C63.3907082 53.58502229 67.06115383 56.85209278 70.6875 60.1875 C74.16136309 63.37736844 77.69910025 66.42048894 81.375 69.375 C86.16980275 73.24089509 90.66715828 77.34723298 95.15917969 81.55371094 C98.55013113 84.71122003 102.01569415 87.71493289 105.625 90.625 C106.50027344 91.33785156 107.37554688 92.05070312 108.27734375 92.78515625 C109.69457898 93.93805779 111.11292956 95.08970772 112.54345703 96.22607422 C114.11056999 97.48140554 115.64933772 98.77185808 117.1875 100.0625 C118.10917969 100.81660156 119.03085938 101.57070312 119.98046875 102.34765625 C122.70933575 105.93160343 122.41240958 108.7283195 122 113 C121.95415771 113.82395264 121.90831543 114.64790527 121.86108398 115.49682617 C120.86256872 131.35101338 120.86256872 131.35101338 117.2421875 136.5 C114.6060608 138.33702209 111.90467414 139.62139433 109 141 C106.79693913 142.33515611 104.63726707 143.72848344 102.47436523 145.12768555 C100.00985208 146.72154874 97.52766459 148.28389744 95.0390625 149.83984375 C91.84031314 151.84350311 88.64683167 153.85486916 85.4609375 155.87890625 C76.41668095 161.62211713 67.3205533 167.27400026 58.1875 172.875 C47.25186834 179.58350657 36.40837497 186.42535021 25.60058594 193.33740234 C21.30079374 196.0863307 16.99636757 198.8278213 12.6875 201.5625 C11.94121338 202.03913086 11.19492676 202.51576172 10.42602539 203.00683594 C5.38668438 206.20154507 0.2440399 209.15437906 -5 212 C-12.74771933 201.89276176 -20.47479585 191.77446163 -28 181.5 C-35.52891704 171.22773113 -43.25830441 161.11235835 -51 151 C-59.4096113 140.01519673 -67.77905122 129.00892034 -75.96191406 117.85375977 C-81.5826151 110.19160839 -87.28338536 102.59074289 -93 95 C-91.56906155 91.73637024 -89.82129135 89.57384977 -87.30477905 87.06427002 C-86.53634171 86.29308334 -85.76790436 85.52189667 -84.97618103 84.7273407 C-84.13245438 83.8908046 -83.28872772 83.05426849 -82.41943359 82.19238281 C-81.53156662 81.30422379 -80.64369965 80.41606476 -79.72892761 79.50099182 C-77.29763109 77.06912181 -74.86022036 74.64346479 -72.42166471 72.21887684 C-69.87296197 69.68268208 -67.32992711 67.14081715 -64.7862854 64.59954834 C-59.97023716 59.78971466 -55.14911367 54.98500169 -50.32614577 50.18210769 C-44.83495542 44.71327706 -39.34944739 39.23876193 -33.86440921 33.763762 C-22.58258345 22.5028377 -11.29364333 11.24907311 0 0 Z " fill="#FEFEFE" transform="translate(3164,2065)"/>
<path d="M0 0 C3.61520086 0.62145133 6.7794154 1.60562198 10.1640625 3.01171875 C11.18363037 3.43179199 12.20319824 3.85186523 13.25366211 4.28466797 C14.36620361 4.74760254 15.47874512 5.21053711 16.625 5.6875 C19.09722134 6.70550295 21.56982476 7.72252674 24.04296875 8.73828125 C24.69207718 9.0053186 25.34118561 9.27235596 26.00996399 9.54748535 C32.60043187 12.25527564 39.21590389 14.89913386 45.83465576 17.53686523 C70.25792248 27.27129471 94.6287108 37.1363377 119 47 C119.83869629 47.3393457 120.67739258 47.67869141 121.54150391 48.02832031 C126.19560714 49.91159512 130.84840587 51.79803612 135.5 53.6875 C136.55380859 54.11442139 137.60761719 54.54134277 138.69335938 54.98120117 C139.62986328 55.36252197 140.56636719 55.74384277 141.53125 56.13671875 C142.31048828 56.45342529 143.08972656 56.77013184 143.89257812 57.09643555 C144.58802734 57.39461182 145.28347656 57.69278809 146 58 C146.72155273 58.28665527 147.44310547 58.57331055 148.18652344 58.86865234 C150.5233462 60.3264925 150.79050204 61.3313883 151.484375 63.96484375 C151.69843994 64.75930908 151.91250488 65.55377441 152.13305664 66.37231445 C152.33664795 67.21882568 152.54023926 68.06533691 152.75 68.9375 C152.95810303 69.80270264 153.16620605 70.66790527 153.38061523 71.55932617 C153.95053597 74.03408578 154.48050194 76.5142468 155 79 C155.24363281 80.05960938 155.48726562 81.11921875 155.73828125 82.2109375 C156.31228972 86.81683678 155.46070821 89.62494615 152.6953125 93.28125 C150.13928074 96.38230838 147.39748191 99.29618598 144.63720703 102.21484375 C142.12805369 104.95074134 139.88027877 107.86678681 137.625 110.8125 C133.51103424 116.12227249 129.28608066 121.328284 125 126.5 C120.76344097 131.61464681 116.57912945 136.75886335 112.5 142 C108.42086604 147.24114244 104.23638682 152.38520527 100 157.5 C95.19316704 163.30371385 90.47303252 169.16238238 85.83862305 175.10449219 C82.34106611 179.58437762 78.7606583 183.99077521 75.1484375 188.37890625 C71.72603667 192.55423526 68.36244089 196.77633447 65 201 C60.69352579 199.52455059 57.30034305 197.22693418 53.6796875 194.5390625 C45.97207468 188.92802275 38.0713052 183.64004014 30.125 178.375 C28.67154189 177.40919186 27.21825665 176.44312352 25.76513672 175.47680664 C22.17322883 173.0887586 18.57979289 170.70302286 14.98583984 168.3180542 C10.02960781 165.02847248 5.07639826 161.73435292 0.125 158.4375 C-1.31286865 157.48012939 -1.31286865 157.48012939 -2.77978516 156.50341797 C-9.76123932 151.84629636 -16.69761034 147.12606819 -23.61572266 142.37548828 C-29.70659572 138.19336083 -35.84136617 134.08169872 -42 130 C-44.75095074 128.16809194 -47.50044564 126.33400303 -50.25 124.5 C-51.54685098 123.63538064 -52.84372384 122.7707941 -54.140625 121.90625 C-55.55601562 120.96265625 -55.55601562 120.96265625 -57 120 C-56.44881851 115.69453716 -55.42932299 112.38773274 -53.4453125 108.53515625 C-52.91164063 107.48521484 -52.37796875 106.43527344 -51.828125 105.35351562 C-51.26609375 104.26748047 -50.7040625 103.18144531 -50.125 102.0625 C-45.910651 93.84659548 -41.82142519 85.58700265 -37.8515625 77.25 C-32.27561767 65.54021376 -26.58951873 53.88635857 -20.87353516 42.24438477 C-19.23600794 38.90900038 -17.60030054 35.57272813 -15.96484375 32.23632812 C-10.68470576 21.46995567 -5.39289766 10.71042874 0 0 Z " fill="#FEFEFE" transform="translate(3097,1714)"/>
<path d="M0 0 C6.50112828 0.32978473 6.50112828 0.32978473 9.74560547 3.10717773 C10.35662109 4.06495117 10.96763672 5.02272461 11.59716797 6.00952148 C12.34169126 7.11734937 13.08787147 8.22406499 13.83544922 9.32983398 C14.41286865 10.21590332 14.41286865 10.21590332 15.00195312 11.11987305 C17.13004606 14.30647719 19.46887802 17.33314573 21.78466797 20.38452148 C22.80971804 21.75147621 23.83444588 23.11867262 24.85888672 24.48608398 C28.57817265 29.43105632 32.33939419 34.34377935 36.09716797 39.25952148 C41.78977298 46.70961123 47.39237487 54.21836448 52.93261719 61.78222656 C57.29454435 67.72330208 61.74263053 73.59424615 66.22216797 79.44702148 C75.42005498 91.46791198 84.4504014 103.61121618 93.22216797 115.94702148 C91.72370003 119.57103361 89.66428304 121.57879178 86.72216797 124.13452148 C85.82240234 124.9247168 84.92263672 125.71491211 83.99560547 126.52905273 C83.08037109 127.32698242 82.16513672 128.12491211 81.22216797 128.94702148 C79.59410832 130.40193828 77.9690534 131.86022507 76.34716797 133.32202148 C75.52732422 134.05936523 74.70748047 134.79670898 73.86279297 135.55639648 C70.92746198 138.21382631 68.0114365 140.891552 65.09716797 143.57202148 C61.22578533 147.13203938 57.31268882 150.63408017 53.33935547 154.07983398 C50.11328279 156.92496819 46.95481357 159.84335027 43.7890625 162.75512695 C38.96631906 167.18925777 34.09875677 171.57220388 29.22216797 175.94702148 C27.5552415 177.44673276 25.88857648 178.94673469 24.22216797 180.44702148 C21.74714563 182.67531262 19.27145043 184.90280989 16.79248047 187.12670898 C12.17990093 191.2677149 7.59553195 195.43679267 3.03466797 199.63452148 C-1.16277895 203.49630611 -5.41222121 207.27593966 -9.77783203 210.94702148 C-14.47460955 209.49985941 -17.45551788 206.73639389 -20.90283203 203.38452148 C-25.80027629 198.73730146 -30.83087639 194.38704094 -36.09814453 190.15795898 C-38.91036518 187.83767198 -41.59580466 185.41631014 -44.27783203 182.94702148 C-47.85575666 179.6537045 -51.49322869 176.50050827 -55.27783203 173.44702148 C-60.03378622 169.60983117 -64.53288004 165.55317048 -69.02783203 161.41577148 C-71.71520837 159.00324045 -74.46748647 156.71445938 -77.27783203 154.44702148 C-81.06243537 151.3935347 -84.6999074 148.24033847 -88.27783203 144.94702148 C-92.77924661 140.80520636 -97.42587841 136.90632168 -102.18408203 133.06420898 C-105.79617434 130.11578424 -109.29716629 127.04870356 -112.77783203 123.94702148 C-111.13672186 118.64252989 -107.76634132 114.62677227 -104.46533203 110.25952148 C-103.18852731 108.54915335 -101.91250341 106.83820208 -100.63720703 105.12670898 C-99.99074219 104.26142578 -99.34427734 103.39614258 -98.67822266 102.50463867 C-95.82002795 98.65797272 -93.01453181 94.77422944 -90.21533203 90.88452148 C-89.68383545 90.14693604 -89.15233887 89.40935059 -88.60473633 88.64941406 C-87.53176658 87.1601262 -86.45909305 85.67062488 -85.38671875 84.1809082 C-82.14637009 79.6817898 -78.89755501 75.1887803 -75.65039062 70.69458008 C-72.95185181 66.95907649 -70.2552525 63.22220668 -67.56298828 59.48217773 C-61.43549699 50.97507818 -55.25753218 42.50819627 -49.02612305 34.0769043 C-44.37652645 27.77874943 -39.78172822 21.44244693 -35.21533203 15.08374023 C-34.22776329 13.71040245 -33.23088493 12.34370397 -32.22412109 10.984375 C-30.73627691 8.94979525 -30.73627691 8.94979525 -29.44873047 6.68896484 C-27.4587986 3.50995322 -26.0788862 1.35139233 -22.40478516 0.20947266 C-19.58240327 -0.10466937 -16.86682049 -0.15959793 -14.02783203 -0.11547852 C-13.08939453 -0.13545898 -12.15095703 -0.15543945 -11.18408203 -0.17602539 C-7.45137389 -0.2250043 -3.73139344 -0.07116474 0 0 Z " fill="#FEFEFE" transform="translate(2080.77783203125,880.052978515625)"/>
<path d="M0 0 C0.91523438 0.34933594 1.83046875 0.69867187 2.7734375 1.05859375 C4.1346875 1.53619141 4.1346875 1.53619141 5.5234375 2.0234375 C8.17592558 2.9751227 10.78401357 4.00754866 13.3984375 5.05859375 C14.15930664 5.32027344 14.92017578 5.58195313 15.70410156 5.8515625 C18.70645992 7.0363746 20.77045034 8.08812865 22.55029297 10.83862305 C23.68914164 13.53696822 24.54195645 16.2565007 25.3984375 19.05859375 C25.87920788 20.50982543 26.36390694 21.95975883 26.8515625 23.40869141 C28.27483321 27.65958625 29.66062444 31.92168673 31.03466797 36.1887207 C31.89339851 38.85544552 32.75678193 41.52062638 33.62109375 44.18554688 C35.96869422 51.43653093 38.30162945 58.68974861 40.5234375 65.98046875 C42.86714624 73.66323935 45.45953412 81.26041402 48.04296875 88.86523438 C49.93624593 94.48976401 51.72391556 100.11452744 53.31640625 105.83203125 C54.80217579 111.12734339 56.45440241 116.33621528 58.23046875 121.5390625 C58.47380951 122.25333908 58.71715027 122.96761566 58.96786499 123.70353699 C59.97048307 126.63854297 60.97703227 129.57209369 61.99389648 132.50219727 C62.74740789 134.67850855 63.48973322 136.85837564 64.23046875 139.0390625 C64.46369339 139.7014946 64.69691803 140.3639267 64.93721008 141.0464325 C66.51192669 145.71812618 66.51192669 145.71812618 65.3984375 149.05859375 C63.32788086 150.21166992 63.32788086 150.21166992 60.48828125 151.3515625 C59.38194336 151.80450684 58.27560547 152.25745117 57.13574219 152.72412109 C56.52291382 152.96942566 55.91008545 153.21473022 55.27868652 153.46746826 C51.79156815 154.86505447 48.32092868 156.30280688 44.84765625 157.734375 C43.66213669 158.22139893 43.66213669 158.22139893 42.45266724 158.71826172 C31.69139422 163.15152032 21.00655643 167.76492618 10.31335449 172.35928345 C6.65006822 173.93289325 2.98581652 175.50423418 -0.67871094 177.07495117 C-10.54302909 181.30412004 -20.40607176 185.53601058 -30.25473022 189.80154419 C-33.55810492 191.23217029 -36.8629316 192.65942355 -40.16784668 194.08648682 C-42.36009217 195.03523672 -44.54969865 195.98989496 -46.73925781 196.94482422 C-48.03307255 197.50388301 -49.32700914 198.06265994 -50.62109375 198.62109375 C-51.71526611 199.09675781 -52.80943848 199.57242187 -53.93676758 200.0625 C-56.6015625 201.05859375 -56.6015625 201.05859375 -59.6015625 201.05859375 C-59.95234863 200.42695312 -60.30313477 199.7953125 -60.66455078 199.14453125 C-68.3100014 185.39411277 -76.07903098 171.72963405 -84.03515625 158.15625 C-87.75491168 151.8081275 -91.43050424 145.43496653 -95.1015625 139.05859375 C-100.56476455 129.57385814 -106.06114317 120.10917964 -111.58251953 110.65820312 C-116.94771584 101.47306106 -122.27960388 92.26884051 -127.6015625 83.05859375 C-123.04528017 78.01862965 -117.62965823 74.43537627 -112.0390625 70.62109375 C-109.95420936 69.18521191 -107.86957772 67.74900842 -105.78515625 66.3125 C-104.74214355 65.59594238 -103.69913086 64.87938477 -102.62451172 64.14111328 C-98.26598225 61.13850818 -93.93304374 58.10002398 -89.6015625 55.05859375 C-77.64539672 46.67900773 -65.65385581 38.350344 -53.66503906 30.01757812 C-50.74786458 27.98984538 -47.83089473 25.96181879 -44.9140625 23.93359375 C-43.97014648 23.2772998 -43.02623047 22.62100586 -42.05371094 21.94482422 C-34.71346767 16.83851306 -27.38621225 11.71381828 -20.06958008 6.57373047 C-18.57351979 5.52420119 -17.07089314 4.48394268 -15.56054688 3.45507812 C-13.37405019 1.94834456 -13.37405019 1.94834456 -10.69140625 -0.51953125 C-6.47977585 -2.45762666 -4.26609699 -1.48573609 0 0 Z " fill="#FEFEFE" transform="translate(2456.6015625,939.94140625)"/>
<path d="M0 0 C-0.53327834 11.25423649 -1.86434142 22.31926837 -3.41067505 33.47406006 C-4.10279429 38.4707541 -4.77740889 43.46981568 -5.453125 48.46875 C-5.58787735 49.46325165 -5.7226297 50.4577533 -5.86146545 51.48239136 C-7.00267921 59.93820691 -8.05554114 68.40227374 -9.0625 76.875 C-10.55791133 89.44647229 -12.1338279 102.0059871 -13.75 114.5625 C-13.86304474 115.44089539 -13.97608948 116.31929077 -14.09255981 117.2243042 C-14.72679866 122.14974025 -15.3626837 127.07496125 -16 132 C-29.18477834 131.42659919 -42.25157499 130.0973051 -55.36553955 128.64535522 C-61.52005181 127.96415547 -67.67601867 127.29639127 -73.83203125 126.62890625 C-75.0860675 126.49273392 -76.34010376 126.35656158 -77.63214111 126.21626282 C-92.92290811 124.5637888 -108.22800475 123.05588989 -123.53491211 121.56152344 C-124.53565262 121.46311661 -125.53639313 121.36470978 -126.56745911 121.26332092 C-128.42046147 121.08119707 -130.27363035 120.90075564 -132.1269989 120.72239685 C-136.45306803 120.29667808 -140.71987471 119.78148599 -145 119 C-142.90606174 111.69793149 -140.47298764 104.56451079 -137.859375 97.43359375 C-137.46030441 96.33666199 -137.06123383 95.23973022 -136.65007019 94.10955811 C-134.45786086 88.08919552 -132.24962836 82.07478105 -130.03735352 76.06176758 C-129.12472453 73.57779768 -128.21253463 71.09366642 -127.30078125 68.609375 C-126.84800308 67.37603928 -126.39522491 66.14270355 -125.9287262 64.87199402 C-123.43924466 58.05558124 -121.02941942 51.22103604 -118.73379517 44.3368988 C-117.45518868 40.50261552 -116.14635682 36.67896491 -114.83581543 32.85549927 C-114.24045233 31.08726924 -113.66134922 29.31347494 -113.09924316 27.53439331 C-112.32391438 25.08400632 -111.49521342 22.65829198 -110.65234375 20.23046875 C-110.44449753 19.51856384 -110.23665131 18.80665894 -110.02250671 18.07318115 C-109.30834961 16.11791992 -109.30834961 16.11791992 -107 13 C-103.39894713 11.67545738 -99.80462671 11.34535373 -96 11 C-94.17344476 10.76826596 -92.34702687 10.53544662 -90.52075195 10.30151367 C-88.59367622 10.0865825 -86.66616099 9.87556453 -84.73828125 9.66796875 C-83.68455826 9.55102158 -82.63083527 9.4340744 -81.54518127 9.31358337 C-79.29613843 9.06407644 -77.04692177 8.81613203 -74.79754639 8.56964111 C-68.8835725 7.92116407 -62.97097638 7.26046678 -57.05859375 6.59765625 C-55.87299866 6.4647821 -54.68740356 6.33190796 -53.46588135 6.19500732 C-40.56165284 4.73952344 -27.67813141 3.12782211 -14.7980957 1.47338867 C-14.0140184 1.37320938 -13.2299411 1.27303009 -12.42210388 1.16981506 C-10.9761985 0.98475641 -9.53051074 0.79798553 -8.08509827 0.6091156 C-5.36147208 0.25993498 -2.7501408 0 0 0 Z " fill="#FDFDFD" transform="translate(2733,2764)"/>
<path d="M0 0 C0.88688507 0.1727092 1.77377014 0.3454184 2.68753052 0.52336121 C3.76532776 0.72947021 4.843125 0.93557922 5.95358276 1.14793396 C7.88140594 1.5487619 7.88140594 1.5487619 9.84817505 1.95768738 C10.58957985 2.10994026 11.33098465 2.26219315 12.09485626 2.41905975 C18.50280333 3.73815273 24.89836358 5.11315319 31.29348755 6.49284363 C33.3565933 6.93615793 35.41973478 7.379306 37.48291016 7.82229614 C41.78148666 8.745918 46.07963071 9.67151938 50.37747192 10.59855652 C55.89369281 11.7882293 61.41097158 12.9729122 66.92857552 14.15615177 C71.177065 15.06779301 75.42499469 15.98202037 79.6727562 16.89704704 C81.70842211 17.33523231 83.74426225 17.77260901 85.78027725 18.20916939 C88.61224099 18.81680346 91.44343414 19.4279049 94.27444458 20.03996277 C95.11802017 20.22024017 95.96159576 20.40051758 96.83073425 20.58625793 C102.61962356 21.84341163 102.61962356 21.84341163 104.84817505 22.95768738 C103.37909792 27.79482403 101.38840803 32.12595375 99.1020813 36.61003113 C98.73541351 37.33780258 98.36874573 38.06557404 97.9909668 38.81539917 C97.20730111 40.37035644 96.42193455 41.92445748 95.63500977 43.47776794 C93.56409886 47.56673169 91.5066735 51.66246121 89.44973755 55.75846863 C89.04422165 56.56556274 88.63870575 57.37265686 88.22090149 58.20420837 C85.16640593 64.29497958 82.19333239 70.4203707 79.28567505 76.58268738 C74.0520553 87.66230582 68.55451979 98.60662973 63.03543091 109.54606628 C58.13722726 119.27307584 53.44097357 129.08290135 48.84817505 138.95768738 C43.94779395 138.30038567 39.86881863 136.28263496 35.4458313 134.19596863 C34.62430573 133.81366592 33.80278015 133.43136322 32.95635986 133.03747559 C30.27204669 131.78682288 27.5913799 130.5285532 24.91067505 129.27018738 C23.04607935 128.39973629 21.18124986 127.52978584 19.31619263 126.6603241 C14.67366134 124.49471008 10.0339056 122.32322295 5.39492798 120.15000916 C1.74830997 118.44275989 -1.90074356 116.74075591 -5.55026245 115.03971863 C-10.40546889 112.7763131 -15.25958422 110.5105966 -20.11276245 108.24284363 C-28.60495516 104.27673574 -37.10695377 100.33183896 -45.60910034 96.38713074 C-53.79535999 92.58872051 -61.97711491 88.78089361 -70.15182495 84.95768738 C-68.64792369 81.5951184 -66.69929593 79.02739296 -64.33932495 76.20768738 C-63.53366089 75.23702332 -62.72799683 74.26635925 -61.8979187 73.26628113 C-61.23638794 72.4713324 -61.23638794 72.4713324 -60.56149292 71.6603241 C-57.98543979 68.54889449 -55.44600161 65.40768811 -52.90182495 62.27018738 C-51.78210942 60.8912193 -50.66231682 59.51231381 -49.54244995 58.13346863 C-48.70036987 57.09633728 -48.70036987 57.09633728 -47.84127808 56.03825378 C-45.11223804 52.6774331 -42.3819847 49.31759848 -39.65182495 45.95768738 C-38.56848549 44.62435903 -37.48515216 43.29102569 -36.40182495 41.95768738 C-33.15182495 37.95768738 -33.15182495 37.95768738 -29.90182495 33.95768738 C-29.36493042 33.29688171 -28.82803589 32.63607605 -28.27487183 31.95524597 C-27.19809799 30.63001078 -26.12127555 29.30481508 -25.04440308 27.97966003 C-22.23529727 24.5227574 -19.42719173 21.06504874 -16.62057495 17.60612488 C-16.03985229 16.89069519 -15.45912964 16.1752655 -14.86080933 15.43815613 C-13.7576287 14.0790376 -12.65474264 12.71967989 -11.55221558 11.36003113 C-10.55501514 10.13172534 -9.54691448 8.91216852 -8.52682495 7.70280457 C-7.114163 5.99862295 -7.114163 5.99862295 -6.08932495 4.09538269 C-4.4903053 1.50138482 -3.15289738 -0.06199731 0 0 Z " fill="#FDFDFD" transform="translate(2373.151824951172,2916.0423126220703)"/>
<path d="M0 0 C14.56935812 0.56429201 29.00312218 1.77843659 43.5 3.3125 C45.63985929 3.53506962 47.77975236 3.75731474 49.91967773 3.97924805 C68.29000903 5.89261349 86.64899311 7.90978291 105 10 C110.37491497 23.32155959 115.59804285 36.69199251 120.6875 50.125 C122.08008076 53.79451715 123.47360383 57.46367613 124.8671875 61.1328125 C125.21314468 62.04419983 125.55910187 62.95558716 125.9155426 63.89459229 C128.20146137 69.91238045 130.50485488 75.92320903 132.8203125 81.9296875 C133.417115 83.48029005 134.01387704 85.03090816 134.6105957 86.58154297 C135.44904395 88.76011322 136.28855918 90.9382311 137.13217163 93.11480713 C137.89999496 95.09612113 138.66328548 97.0791308 139.42578125 99.0625 C139.85286377 100.16722656 140.27994629 101.27195312 140.7199707 102.41015625 C142.31825269 106.89254007 143.67030234 111.4318966 145 116 C121.66812051 119.01134237 98.33494256 122.01248281 75 125 C73.97018005 125.13188847 73.97018005 125.13188847 72.91955566 125.26644135 C65.2993347 126.24225865 57.67861128 127.21390346 50.05664062 128.17596436 C48.0291325 128.4323583 46.00178624 128.69003566 43.97460938 128.94903564 C41.19184554 129.30424877 38.40852979 129.65475353 35.625 130.00390625 C34.82819824 130.1065831 34.03139648 130.20925995 33.21044922 130.31504822 C29.11354668 130.82304734 25.12817079 131.10443289 21 131 C17.31273045 109.66295874 13.66439917 88.33005339 10.44287109 66.91699219 C9.69370693 61.98258569 8.91238536 57.05343436 8.125 52.125 C7.96781494 51.14063965 7.81062988 50.1562793 7.64868164 49.14208984 C6.59677556 42.60066123 5.51183314 36.06510179 4.4140625 29.53125 C4.2768277 28.71324921 4.1395929 27.89524841 3.99819946 27.05245972 C3.31229767 22.96553398 2.6235962 18.87911392 1.93017578 14.79345703 C1.67732603 13.29200613 1.42455539 11.79054191 1.171875 10.2890625 C1.0533316 9.59647339 0.93478821 8.90388428 0.81265259 8.19030762 C0.3476388 5.41496784 0 2.82071359 0 0 Z " fill="#FDFDFD" transform="translate(1444,2772)"/>
<path d="M0 0 C4.16863053 1.30835989 8.02452445 2.87683629 11.9453125 4.80078125 C13.08959717 5.35878418 14.23388184 5.91678711 15.4128418 6.49169922 C16.01639496 6.78784119 16.61994812 7.08398315 17.24179077 7.38909912 C20.49907177 8.98625364 23.76304832 10.56958595 27.02734375 12.15234375 C27.69653336 12.47692566 28.36572296 12.80150757 29.05519104 13.13592529 C35.56632118 16.28697227 42.12040801 19.34242264 48.6875 22.375 C59.73010813 27.47527567 70.74643581 32.62860889 81.75 37.8125 C82.51621674 38.17341736 83.28243347 38.53433472 84.0718689 38.90618896 C88.38171516 40.9364649 92.69107772 42.96776385 97 45 C100.31168835 129.05627337 100.31168835 129.05627337 100 156 C91.98861442 155.18018205 84.1362091 153.52726843 76.25 151.9375 C75.48502197 151.78416199 74.72004395 151.63082397 73.93188477 151.47283936 C61.69285528 149.01575669 49.50043105 146.37798453 37.32275391 143.63449097 C23.99073228 140.63178172 10.62844108 137.78833068 -2.75 135 C-3.71784424 134.79828186 -4.68568848 134.59656372 -5.68286133 134.38873291 C-11.12126784 133.2560606 -16.56034086 132.12664042 -22 131 C-21.42837014 122.14517559 -20.00204633 113.49304176 -18.47094727 104.76586914 C-18.06277409 102.43906248 -17.66071627 100.11126417 -17.25976562 97.78320312 C-15.17334463 85.7249538 -15.17334463 85.7249538 -13.9921875 80.0078125 C-12.45877058 72.52654848 -11.3004822 64.97212923 -10.0625 57.4375 C-7.45121101 41.5781271 -4.70060673 25.74904153 -1.8125 9.9375 C-1.63525391 8.96490234 -1.45800781 7.99230469 -1.27539062 6.99023438 C-0.85068249 4.66007891 -0.4255575 2.33000046 0 0 Z " fill="#FDFDFD" transform="translate(1256,2528)"/>
<path d="M0 0 C1.81293396 2.71940094 2.36345975 3.93152197 2.98632812 6.98510742 C3.15448532 7.79276047 3.32264252 8.60041351 3.49589539 9.43254089 C3.76089592 10.75564018 3.76089592 10.75564018 4.03125 12.10546875 C4.22326492 13.03647903 4.41527985 13.96748932 4.6131134 14.92671204 C5.24814021 18.01243115 5.87398458 21.09994125 6.5 24.1875 C6.94225961 26.34389222 7.38522219 28.50014037 7.82885742 30.65625 C8.75499805 35.16009225 9.67805992 39.66454995 10.59912109 44.16943359 C12.59982618 53.94144663 14.64037129 63.70513335 16.6796875 73.46914673 C17.29109731 76.39749187 17.90163256 79.32601751 18.51171875 82.25463867 C18.70510834 83.18289963 18.89849792 84.11116058 19.0977478 85.06755066 C19.47945424 86.90082373 19.86082879 88.73416594 20.24185181 90.56758118 C21.28654375 95.59132781 22.34029943 100.61301289 23.40380859 105.6328125 C23.63561325 106.7319397 23.86741791 107.83106689 24.10624695 108.96350098 C24.5553119 111.09219156 25.00672302 113.2203889 25.46076965 115.34802246 C25.66216049 116.30503052 25.86355133 117.26203857 26.07104492 118.24804688 C26.25068283 119.09459839 26.43032074 119.9411499 26.61540222 120.81335449 C27 123 27 123 27 126 C-5.02534161 133.60198969 -5.02534161 133.60198969 -20.5625 137 C-30.59699185 139.19911262 -40.58371686 141.56344217 -50.5625 144 C-60.95051792 146.53374387 -71.33936146 149.06036512 -81.75 151.5 C-82.82064697 151.75523437 -83.89129395 152.01046875 -84.99438477 152.2734375 C-85.98108154 152.50289062 -86.96777832 152.73234375 -87.984375 152.96875 C-88.83741211 153.16919922 -89.69044922 153.36964844 -90.56933594 153.57617188 C-93.09611569 154.01675943 -95.44050747 154.02887421 -98 154 C-98.13467925 118.318551 -97.86331762 82.67154916 -97 47 C-86.98385139 41.96348868 -76.93489331 37.01839379 -66.80078125 32.22265625 C-60.59321298 29.27209136 -54.43774919 26.22876448 -48.2953949 23.14569092 C-41.28757733 19.63289348 -34.24281163 16.19800977 -27.18823242 12.78027344 C-25.03801809 11.73813441 -22.88910339 10.69334723 -20.74023438 9.6484375 C-13.87578121 6.31659782 -7.00211351 3.03555312 0 0 Z " fill="#FDFDFD" transform="translate(2917,2515)"/>
<path d="M0 0 C2.28785325 0.81701363 4.20960474 1.8403257 6.29638672 3.08569336 C7.13089355 3.58085449 7.96540039 4.07601562 8.82519531 4.58618164 C9.73350098 5.13258301 10.64180664 5.67898437 11.57763672 6.24194336 C12.5439502 6.81799316 13.51026367 7.39404297 14.50585938 7.98754883 C23.35025327 13.27286999 32.14961005 18.63306809 40.94628906 23.99731445 C47.47997942 27.97724044 54.03635926 31.91525248 60.62451172 35.80444336 C61.69912155 36.4393721 61.69912155 36.4393721 62.79544067 37.08712769 C66.27475177 39.14191097 69.7567824 41.19185655 73.24316406 43.23461914 C80.40439588 47.4475111 87.36853347 51.82770727 94.07763672 56.74194336 C89.89610182 61.80380139 85.44107679 66.43836514 80.73779297 71.01928711 C78.81459911 72.98766614 77.05047246 74.93428968 75.27929688 77.02709961 C69.54684579 83.59793987 63.33091278 89.71576916 57.19091797 95.90209961 C56.19855668 96.90244641 56.19855668 96.90244641 55.18614769 97.92300224 C51.69637931 101.43931876 48.20306974 104.95207723 44.70727539 108.46240234 C41.81677616 111.36633128 38.93375609 114.27739474 36.05688477 117.19482422 C32.57148103 120.72934056 29.07415254 124.25161591 25.56767845 127.76522636 C24.23533543 129.10430029 22.90726541 130.44763962 21.58355141 131.79524422 C19.74058477 133.66961315 17.88270315 135.52782022 16.02026367 137.3828125 C15.20273872 138.22494545 15.20273872 138.22494545 14.36869812 139.08409119 C12.8273468 140.60023499 12.8273468 140.60023499 10.07763672 142.74194336 C6.8049916 142.70655768 6.05144983 141.71844022 3.56201172 139.48413086 C2.20849609 138.06487305 2.20849609 138.06487305 0.82763672 136.61694336 C-2.91072446 132.7165145 -6.74609051 129.10383799 -10.83398438 125.57202148 C-14.3472716 122.49327458 -17.72164838 119.26942859 -21.10986328 116.05444336 C-26.2308805 111.21451879 -31.36135785 106.38722391 -36.54736328 101.61694336 C-41.19104108 97.34505024 -45.8130647 93.05091604 -50.42236328 88.74194336 C-54.5506758 84.88316617 -58.68367283 81.02996966 -62.83959961 77.20092773 C-63.88760516 76.23488097 -64.93433713 75.26745059 -65.97973633 74.29858398 C-68.98606223 71.51393337 -72.01528214 68.75820184 -75.06689453 66.02319336 C-76.45632344 64.76289353 -77.84564815 63.50247883 -79.23486328 62.24194336 C-79.90001953 61.65413086 -80.56517578 61.06631836 -81.25048828 60.46069336 C-81.86021484 59.90381836 -82.46994141 59.34694336 -83.09814453 58.77319336 C-83.6438208 58.28399414 -84.18949707 57.79479492 -84.75170898 57.29077148 C-85.92236328 55.74194336 -85.92236328 55.74194336 -85.92236328 51.74194336 C-83.44863175 49.92724889 -81.07988013 48.43281785 -78.42236328 46.92944336 C-76.75466782 45.94942112 -75.0880554 44.96755422 -73.42236328 43.98413086 C-72.52775391 43.46044922 -71.63314453 42.93676758 -70.71142578 42.3972168 C-65.89343646 39.53780086 -61.16324596 36.53932805 -56.42236328 33.55444336 C-46.68840765 27.45190545 -36.92082518 21.40579847 -27.12109375 15.40942383 C-22.33769321 12.47907201 -17.5700305 9.53540764 -12.86767578 6.47631836 C-12.12582031 5.99718994 -11.38396484 5.51806152 -10.61962891 5.02441406 C-9.28577013 4.15869446 -7.95833002 3.28296127 -6.63916016 2.39501953 C-2.43207881 -0.32648048 -2.43207881 -0.32648048 0 0 Z " fill="#FDFDFD" transform="translate(2086.92236328125,2966.258056640625)"/>
<path d="M0 0 C2.04296875 1.8984375 2.04296875 1.8984375 4.1875 4.375 C4.97898437 5.28507812 5.77046875 6.19515625 6.5859375 7.1328125 C9.61384296 10.72906268 12.59327962 14.36132979 15.55078125 18.015625 C18.31810802 21.38761487 21.15150415 24.69662321 24 28 C28.31951465 33.01299606 32.55097766 38.08538117 36.72265625 43.22265625 C39.28204054 46.34396367 41.88593791 49.4245003 44.5 52.5 C48.61042512 57.33700467 52.65241183 62.22320805 56.65234375 67.15234375 C58.41541215 69.29090758 60.19605278 71.40378218 62.00390625 73.50390625 C62.51179688 74.09558594 63.0196875 74.68726562 63.54296875 75.296875 C64.54006557 76.45545537 65.5412451 77.61053716 66.546875 78.76171875 C70 82.77882119 70 82.77882119 70 85 C34.71484696 102.73781508 34.71484696 102.73781508 19.04077148 110.1574707 C12.31440511 113.34886606 5.65072035 116.65408159 -1 120 C-9.24376015 124.13979982 -17.50667932 128.23595669 -25.8125 132.25 C-26.79154297 132.72824219 -27.77058594 133.20648437 -28.77929688 133.69921875 C-30.13571289 134.35083984 -30.13571289 134.35083984 -31.51953125 135.015625 C-32.71219604 135.59231934 -32.71219604 135.59231934 -33.92895508 136.18066406 C-36 137 -36 137 -39 137 C-50.25 116 -61.5 95 -72.75 74 C-73.36987793 72.84306641 -73.98975586 71.68613281 -74.62841797 70.49414062 C-75.86760392 68.18064868 -77.1062188 65.86685075 -78.34423828 63.55273438 C-81.27609481 58.07416101 -84.2137387 52.5990404 -87.17169189 47.13452148 C-88.57154472 44.54759921 -89.96815001 41.95893045 -91.36450195 39.37011719 C-92.03231044 38.13421165 -92.70171647 36.89916786 -93.37280273 35.66503906 C-94.30203027 33.9559534 -95.22536768 32.24366926 -96.1484375 30.53125 C-96.67614746 29.55736328 -97.20385742 28.58347656 -97.74755859 27.58007812 C-98.83004197 25.35012017 -99.5291535 23.42067971 -100 21 C-84.39894157 17.15100814 -68.77950865 13.46092166 -53.07260132 10.07046509 C-41.51218523 7.57385688 -29.9897221 4.93589159 -18.47875977 2.22070312 C-17.30627686 1.94419922 -16.13379395 1.66769531 -14.92578125 1.3828125 C-13.89880127 1.13934082 -12.87182129 0.89586914 -11.8137207 0.64501953 C-3.13504291 -1.34448734 -3.13504291 -1.34448734 0 0 Z " fill="#FEFEFE" transform="translate(1802,2921)"/>
<path d="M0 0 C2.94895082 1.33636305 5.09700119 2.82141931 7.43359375 5.0546875 C8.07554688 5.663125 8.7175 6.2715625 9.37890625 6.8984375 C10.39791016 7.87683594 10.39791016 7.87683594 11.4375 8.875 C12.88369534 10.24783761 14.33031507 11.62022829 15.77734375 12.9921875 C16.49390137 13.6737793 17.21045898 14.35537109 17.94873047 15.05761719 C20.77391094 17.73282974 23.63349099 20.36923704 26.5 23 C31.36048947 27.47131652 36.18617104 31.97850652 41 36.5 C46.34745529 41.52240518 51.7157132 46.52047518 57.11254883 51.48974609 C61.48575876 55.51890383 65.83971869 59.56842279 70.1875 63.625 C70.835979 64.22965088 71.48445801 64.83430176 72.15258789 65.45727539 C72.75578857 66.02051514 73.35898926 66.58375488 73.98046875 67.1640625 C74.51567139 67.66373535 75.05087402 68.1634082 75.60229492 68.67822266 C76.7531016 69.7665139 77.88001477 70.88001477 79 72 C78.76044549 78.56661173 76.0876541 85.14500189 74.09277344 91.36010742 C72.33388995 96.8537875 70.74201134 102.38290815 69.1875 107.9375 C66.04253928 119.10763981 62.48541219 130.13621227 58.91210938 141.17529297 C55.72149816 151.05628112 52.61913851 160.94932215 50 171 C46.75296021 170.35289818 44.33395751 169.17700561 41.5 167.48046875 C40.1855188 166.69857178 40.1855188 166.69857178 38.84448242 165.90087891 C37.90580322 165.33546387 36.96712402 164.77004883 36 164.1875 C35.01813721 163.60145996 34.03627441 163.01541992 33.0246582 162.41162109 C30.01344688 160.61269048 27.00644998 158.80687393 24 157 C22.32702324 155.99836325 20.65385843 154.9970405 18.98046875 153.99609375 C13.98294864 151.00409046 8.99124024 148.00246398 4 145 C0.08403622 142.64466195 -3.83261999 140.29048187 -7.75 137.9375 C-9.27778076 137.01964722 -9.27778076 137.01964722 -10.83642578 136.08325195 C-17.04573171 132.35776318 -23.26605422 128.65161954 -29.49609375 124.9609375 C-30.21787811 124.53319534 -30.93966248 124.10545319 -31.68331909 123.66474915 C-35.24226481 121.55599582 -38.80235739 119.44921761 -42.36425781 117.34545898 C-43.67385967 116.57020303 -44.98343141 115.79489618 -46.29296875 115.01953125 C-47.17739906 114.49853348 -47.17739906 114.49853348 -48.07969666 113.9670105 C-51.80585087 111.75813302 -55.4157008 109.42875179 -59 107 C-54.4648153 97.48435792 -49.40939136 88.32349516 -44.18945312 79.16894531 C-40.14095552 72.05528825 -36.19565256 64.89265591 -32.3125 57.6875 C-27.41485046 48.60491587 -22.46379452 39.5564994 -17.42626953 30.55078125 C-15.72843901 27.51433255 -14.03432449 24.47581924 -12.33984375 21.4375 C-11.06007299 19.1457344 -9.78012588 16.85406726 -8.5 14.5625 C-7.88777588 13.46494385 -7.27555176 12.3673877 -6.64477539 11.23657227 C-6.07106201 10.21104248 -5.49734863 9.1855127 -4.90625 8.12890625 C-4.39384766 7.21181885 -3.88144531 6.29473145 -3.35351562 5.34985352 C-2.30302444 3.5260841 -1.16746492 1.75119739 0 0 Z " fill="#FDFDFD" transform="translate(1153,2245)"/>
<path d="M0 0 C0.20363159 1.30481323 0.20363159 1.30481323 0.41137695 2.63598633 C3.47621786 22.28842397 3.47621786 22.28842397 6.5625 41.9375 C6.6756958 42.65542725 6.7888916 43.37335449 6.90551758 44.11303711 C7.58310763 48.3984262 8.27122775 52.6820187 8.96484375 56.96484375 C10.62284318 67.21737083 12.25557141 77.47217619 13.75 87.75 C13.94142578 89.04429932 13.94142578 89.04429932 14.13671875 90.36474609 C14.35920986 91.92124638 14.56731174 93.47991403 14.75683594 95.04077148 C14.95336148 96.62422275 15.2165195 98.19931502 15.5 99.76953125 C14.79863076 102.8982956 12.91585407 103.93242168 10.32910156 105.63793945 C9.64299805 106.06679443 8.95689453 106.49564941 8.25 106.9375 C6.76987464 107.9073927 5.2907531 108.8788186 3.8125 109.8515625 C3.02617188 110.36235352 2.23984375 110.87314453 1.4296875 111.39941406 C-2.69232816 114.11484158 -6.71618256 116.96843097 -10.75 119.8125 C-12.44894469 121.00429702 -14.14816632 122.19569936 -15.84765625 123.38671875 C-16.69730957 123.98274902 -17.54696289 124.5787793 -18.42236328 125.19287109 C-20.98731713 126.9911083 -23.55389366 128.78700256 -26.12109375 130.58203125 C-41.46782309 141.31294795 -56.77640308 152.09498287 -72 163 C-74.29274996 160.70725004 -74.90608758 158.99884748 -76.0402832 155.97241211 C-76.43907181 154.91675552 -76.83786041 153.86109894 -77.24873352 152.77345276 C-77.67840927 151.61973679 -78.10808502 150.46602081 -78.55078125 149.27734375 C-79.24095105 147.44539672 -79.93112475 145.61345117 -80.62147808 143.7815733 C-81.35361359 141.83596605 -82.0831746 139.889411 -82.81201172 137.94256592 C-85.05856368 131.94260434 -87.32106964 125.94865863 -89.58381271 119.95478821 C-90.0832056 118.63182901 -90.58241427 117.30880026 -91.08143997 115.98570251 C-95.5982156 104.01185738 -100.22538264 92.08580992 -104.96606445 80.19897461 C-107.4432214 73.98347484 -109.89208006 67.75765816 -112.28125 61.5078125 C-112.53789429 60.84836639 -112.79453857 60.18892029 -113.05895996 59.50949097 C-114.50657669 55.68909304 -115.47165629 52.05089563 -116 48 C-101.7224928 41.63747107 -87.3881189 35.44042876 -72.96337891 29.41918945 C-71.63052459 28.86281515 -70.2976798 28.30641804 -68.96484375 27.75 C-68.27900208 27.46372238 -67.5931604 27.17744476 -66.88653564 26.88249207 C-55.69835211 22.20794144 -44.53441459 17.47555476 -33.36584473 12.75439453 C-32.41399292 12.3520459 -31.46214111 11.94969727 -30.48144531 11.53515625 C-29.5523233 11.14239502 -28.62320129 10.74963379 -27.66592407 10.3449707 C-25.01049267 9.22328317 -22.35418273 8.1036979 -19.69775391 6.984375 C-16.83090367 5.77591724 -13.96814933 4.55896022 -11.11083984 3.328125 C-10.03656738 2.86921875 -8.96229492 2.4103125 -7.85546875 1.9375 C-6.96883545 1.55464844 -6.08220215 1.17179687 -5.16870117 0.77734375 C-3 0 -3 0 0 0 Z " fill="#FEFEFE" transform="translate(1256,1644)"/>
<path d="M0 0 C-0.34342458 8.29370371 -1.73488966 16.25246667 -3.34448242 24.37060547 C-4.74527232 31.4954099 -5.94133902 38.63869462 -7.0625 45.8125 C-8.30860083 53.74847771 -9.59555703 61.65628041 -11.16796875 69.53515625 C-11.90159487 73.29917385 -12.47672468 77.07966226 -13.05078125 80.87109375 C-13.24808838 82.09521973 -13.44539551 83.3193457 -13.64868164 84.58056641 C-14.0438988 87.0333839 -14.41494074 89.49024168 -14.75952148 91.95068359 C-15.28709572 95.11703512 -15.85997783 97.99926541 -17 101 C-19.80563972 102.99289488 -20.80579325 103.38985042 -24 104 C-25.761512 104.49875169 -27.52182761 105.00173875 -29.28125 105.5078125 C-31.35309973 106.05096127 -33.42609364 106.58975773 -35.5 107.125 C-45.58321156 109.78310466 -55.61641051 112.57629393 -65.625 115.5 C-66.27635925 115.69018707 -66.92771851 115.88037415 -67.59881592 116.07632446 C-70.83202487 117.02095144 -74.06460324 117.96769663 -77.296875 118.91552734 C-80.81109665 119.94467902 -84.3269834 120.96786431 -87.84375 121.98828125 C-101.81678757 126.04312005 -101.81678757 126.04312005 -115.70703125 130.37109375 C-118 131 -118 131 -121 131 C-122.15670445 104.23214808 -123.19137852 77.46178424 -124.05820465 50.68305206 C-124.12469862 48.63428576 -124.1918811 46.58554301 -124.25921631 44.5368042 C-124.38629591 40.6626372 -124.50986619 36.78836299 -124.6328125 32.9140625 C-124.67021545 31.77003967 -124.70761841 30.62601685 -124.74615479 29.44732666 C-124.95786329 22.62894438 -125.04510681 15.82157795 -125 9 C-107.058134 6.78796796 -89.0136654 5.80494571 -70.98016357 4.66143799 C-64.30000142 4.23730325 -57.62019073 3.80766419 -50.94047928 3.37649536 C-49.31644656 3.27169044 -47.6924003 3.16709508 -46.0683403 3.06271362 C-34.58447947 2.32343595 -23.10938382 1.51292003 -11.63902283 0.5838623 C-10.67799149 0.50655884 -9.71696014 0.42925537 -8.72680664 0.34960938 C-7.90314102 0.28173218 -7.0794754 0.21385498 -6.23085022 0.1439209 C-4.15765606 0.01017101 -2.07750405 0 0 0 Z " fill="#FDFDFD" transform="translate(1445,1399)"/>
<path d="M0 0 C10.21497078 2.12032361 20.2538306 4.56814232 30.2644043 7.50634766 C38.29891518 9.8448417 46.39227453 11.93379672 54.5 14 C64.12155111 16.45532687 73.70759862 18.99243878 83.24169922 21.77026367 C91.64858271 24.21315402 100.10286831 26.47357407 108.56176758 28.72875977 C109.6164624 29.01033936 110.67115723 29.29191895 111.7578125 29.58203125 C112.6977002 29.83186768 113.63758789 30.0817041 114.60595703 30.33911133 C116.41944472 30.83973454 118.21522408 31.40507469 120 32 C118.2756811 36.66580407 116.00783762 40.98636693 113.6875 45.375 C113.03261597 46.61697144 113.03261597 46.61697144 112.36450195 47.8840332 C108.3913644 55.36398414 104.2275396 62.73014503 100.03442383 70.08837891 C96.05193072 77.09221412 92.18857557 84.15295404 88.375 91.25 C82.79507325 101.62781831 76.96209157 111.83815687 71 122 C48.39530011 121.36816526 25.82618107 120.28304034 3.24578857 119.0770874 C-1.20061142 118.84026501 -5.64718908 118.60682475 -10.09375 118.37304688 C-18.72933765 117.91855776 -27.36473131 117.46050957 -36 117 C-35.28196468 113.30708762 -34.3939563 109.7422358 -33.328125 106.1328125 C-32.99603027 105.00762207 -32.66393555 103.88243164 -32.32177734 102.72314453 C-31.96809082 101.53575684 -31.6144043 100.34836914 -31.25 99.125 C-30.88729004 97.90280762 -30.52458008 96.68061523 -30.15087891 95.42138672 C-27.97293606 88.1269759 -25.6693641 80.90454319 -23.203125 73.703125 C-21.71635465 69.12696172 -20.42005969 64.50839832 -19.125 59.875 C-16.86438431 51.79384761 -14.32579629 43.84747839 -11.61474609 35.90722656 C-9.16906875 28.67735399 -7.04066322 21.37876508 -5.04101562 14.01367188 C-3.69727748 9.13540186 -2.1087869 4.6021173 0 0 Z " fill="#FDFDFD" transform="translate(1584,1198)"/>
<path d="M0 0 C0.5873291 1.1449292 0.5873291 1.1449292 1.18652344 2.31298828 C8.19528927 15.9602378 15.24086819 29.57375058 22.640625 43.0144043 C26.7902876 50.56782485 30.80126664 58.18897235 34.7512207 65.84863281 C36.96807975 70.14219825 39.20495198 74.40909413 41.6015625 78.60546875 C41.98924805 79.29326416 42.37693359 79.98105957 42.77636719 80.68969727 C43.7930338 82.48061198 44.8292798 84.26037362 45.8671875 86.0390625 C47 89 47 89 46.5546875 91.390625 C44.32631533 95.13070694 41.83623072 98.62506645 39.25 102.125 C38.67725342 102.90907227 38.10450684 103.69314453 37.5144043 104.50097656 C35.68243231 107.00524324 33.84231626 109.5033355 32 112 C31.39945801 112.81500977 30.79891602 113.63001953 30.18017578 114.46972656 C27.79653763 117.70434098 25.41208835 120.93834914 23.0246582 124.17016602 C18.81524997 129.87367063 14.67299481 135.62068971 10.56640625 141.3984375 C2.79532813 152.32545564 -5.10076734 163.16540293 -13 174 C-17.97107165 170.30356211 -21.59227529 165.97840588 -25.453125 161.15234375 C-28.1848077 157.74419317 -31.02335695 154.43292424 -33.875 151.125 C-34.89986338 149.93370024 -35.92460259 148.74229365 -36.94921875 147.55078125 C-37.45630371 146.96119629 -37.96338867 146.37161133 -38.48583984 145.76416016 C-44.2119092 139.09267077 -49.89179274 132.38491685 -55.4375 125.5625 C-58.89274151 121.31607618 -62.42697834 117.14703706 -66 113 C-70.30854796 107.99927238 -74.53390804 102.94340771 -78.6875 97.8125 C-80.43632465 95.68555111 -82.20388293 93.58639862 -84 91.5 C-84.50845459 90.90775635 -85.01690918 90.3155127 -85.54077148 89.70532227 C-86.53873253 88.54597109 -87.54072213 87.39007289 -88.54711914 86.23803711 C-92 82.22111768 -92 82.22111768 -92 80 C-90.671875 78.66015625 -90.671875 78.66015625 -88.75 77.0625 C-85.09025988 73.95431646 -81.52670736 70.75751424 -78 67.5 C-74.04203577 63.85515417 -70.04821433 60.26084715 -65.984375 56.734375 C-61.94625309 53.20499286 -57.98085319 49.59365774 -54 46 C-52.33359149 44.49971321 -50.66692647 42.99971128 -49 41.5 C-48.175 40.7575 -47.35 40.015 -46.5 39.25 C-39 32.5 -39 32.5 -36.5078125 30.2578125 C-34.81407106 28.73291756 -33.12138831 27.20684598 -31.4296875 25.6796875 C-27.68435744 22.30087292 -23.93481793 18.93104035 -20.125 15.625 C-16.01369787 12.05288503 -12.01874546 8.35695621 -8.03564453 4.64306641 C-3.01943074 0 -3.01943074 0 0 0 Z " fill="#FDFDFD" transform="translate(1156,1937)"/>
<path d="M0 0 C31.69404601 1.62187744 63.38084775 3.34017334 95.0625 5.1875 C95.83879635 5.23276321 96.6150927 5.27802643 97.41491318 5.32466125 C106.94343025 5.88047706 116.47179183 6.43891283 126 7 C125.89205724 20.18778958 125.77933833 33.3755291 125.66066074 46.5632267 C125.60569062 52.68796756 125.55231466 58.81271335 125.50268555 64.9375 C125.45465655 70.85736235 125.40230468 76.77717265 125.34705925 82.69697189 C125.32680877 84.94616765 125.30806931 87.19537757 125.29092598 89.44459915 C125.20187075 101.00052883 125.07578059 112.48542395 124 124 C118.03164673 122.50811768 118.03164673 122.50811768 115.49682617 121.87255859 C110.76759295 120.68741954 106.03523622 119.51567437 101.30078125 118.3515625 C90.40649163 115.6634673 79.54255379 112.97478896 68.80786133 109.70117188 C63.47988884 108.09262719 58.10743733 106.81959638 52.67993164 105.59570312 C45.72524642 103.99836276 38.88758476 102.02669387 32.04199219 100.01782227 C28.04724816 98.84906602 24.10924666 97.70468486 20 97 C17.29984442 87.05707416 15.16760076 77.04640106 13.1875 66.9375 C10.57178749 53.59677613 7.65463691 40.34352846 4.61328125 27.09375 C4.0747024 24.72935295 3.53694538 22.36476854 3 20 C2.7117334 18.74445313 2.4234668 17.48890625 2.12646484 16.1953125 C1.85141113 14.96554687 1.57635742 13.73578125 1.29296875 12.46875 C1.04442139 11.36982422 0.79587402 10.27089844 0.53979492 9.13867188 C0.00432882 6.02517021 -0.09813356 3.1521331 0 0 Z " fill="#FEFEFE" transform="translate(2698,1389)"/>
<path d="M0 0 C3.93322376 1.76985906 5.12677901 3.42448291 7.1796875 7.2578125 C7.77144775 8.34594238 8.36320801 9.43407227 8.97290039 10.55517578 C9.28244659 11.13624084 9.5919928 11.71730591 9.91091919 12.315979 C11.56001804 15.41038189 13.24571967 18.48483397 14.92578125 21.5625 C15.26731735 22.19060577 15.60885345 22.81871155 15.96073914 23.46585083 C19.20796398 29.42324154 22.6156229 35.28106105 26.0625 41.125 C30.80896664 49.19599601 35.44720969 57.31819234 40 65.5 C51.0013474 85.28715598 51.0013474 85.28715598 62.67895508 104.67871094 C64 107 64 107 64 109 C61.96240234 110.47363281 61.96240234 110.47363281 59.0859375 112.203125 C57.49628174 113.16810913 57.49628174 113.16810913 55.87451172 114.15258789 C55.30472595 114.49403839 54.73494019 114.83548889 54.14788818 115.18728638 C51.14183457 116.98919027 48.15019773 118.81479819 45.15625 120.63671875 C44.54796356 121.00594955 43.93967712 121.37518036 43.31295776 121.75559998 C37.78507715 125.11577219 32.321577 128.57214814 26.875 132.0625 C19.21535228 136.96204654 11.52744485 141.81296245 3.8125 146.625 C-3.67643359 151.29711732 -11.16008978 155.97706899 -18.625 160.6875 C-19.77005005 161.40897217 -19.77005005 161.40897217 -20.93823242 162.14501953 C-24.12798588 164.16016905 -27.29124479 166.19149988 -30.3984375 168.33203125 C-33 170 -33 170 -35 170 C-35.33209473 168.998479 -35.66418945 167.99695801 -36.00634766 166.96508789 C-37.26839293 163.16051019 -38.53259258 159.35665097 -39.79736328 155.55297852 C-40.33894414 153.92328343 -40.87998148 152.2934076 -41.42041016 150.66333008 C-44.51281041 141.33718072 -47.64475729 132.03097046 -50.98208618 122.78907776 C-52.62835375 118.19427071 -54.04018245 113.5703186 -55.375 108.875 C-57.66618471 100.83250874 -60.39152025 92.96890523 -63.23388672 85.10498047 C-63.56275879 84.18346191 -63.89163086 83.26194336 -64.23046875 82.3125 C-64.66975708 81.10013672 -64.66975708 81.10013672 -65.11791992 79.86328125 C-65.40900635 78.91839844 -65.70009277 77.97351562 -66 77 C-66.36387959 76.01346735 -66.36387959 76.01346735 -66.73511028 75.00700474 C-68.55548172 69.16906607 -68.55548172 69.16906607 -67.0946722 66.09464836 C-65.50675129 64.14973064 -63.8158619 62.45447326 -61.98486328 60.73608398 C-61.32191254 60.07152695 -60.65896179 59.40696991 -59.97592163 58.72227478 C-57.78245077 56.53645593 -55.55264661 54.39214723 -53.3203125 52.24609375 C-51.790492 50.7367939 -50.26308559 49.22504353 -48.73800659 47.71095276 C-44.72083728 43.73574864 -40.67174022 39.79467747 -36.6151123 35.85980225 C-32.48013587 31.83742836 -28.37619234 27.78366457 -24.26953125 23.73242188 C-16.20976613 15.79056798 -8.11592549 7.88442505 0 0 Z " fill="#FDFDFD" transform="translate(3002,2227)"/>
<path d="M0 0 C3.7570937 0.88669124 7.18228177 2.21761495 10.76171875 3.67578125 C11.44378891 3.9528038 12.12585907 4.22982635 12.82859802 4.51524353 C15.11596338 5.44506905 17.40172407 6.37877473 19.6875 7.3125 C21.31680784 7.97579892 22.94620462 8.63887942 24.57568359 9.30175781 C29.0769254 11.13386883 33.57665107 12.969676 38.07598877 14.80645752 C41.08673733 16.03540502 44.09777397 17.26364432 47.10888672 18.49169922 C48.1421962 18.9131572 49.17550568 19.33461517 50.24012756 19.7688446 C52.35211239 20.63024385 54.46412217 21.49158192 56.57615662 22.3528595 C61.86765567 24.51120908 67.15799634 26.67232044 72.44604492 28.83911133 C81.30720102 32.46808855 90.16903072 36.08801199 99.0859375 39.578125 C100.38146563 40.0892193 101.6768818 40.60059751 102.97216797 41.11230469 C105.24473899 42.00623505 107.52212324 42.88807161 109.80517578 43.75488281 C110.76665527 44.13483398 111.72813477 44.51478516 112.71875 44.90625 C113.53279297 45.21884766 114.34683594 45.53144531 115.18554688 45.85351562 C117 47 117 47 117.85327148 48.86987305 C118.02673955 51.3881907 117.57759295 52.84089774 116.62890625 55.17578125 C116.30615723 55.99127441 115.9834082 56.80676758 115.65087891 57.64697266 C115.11213135 58.96640869 115.11213135 58.96640869 114.5625 60.3125 C113.80824446 62.22149196 113.0570411 64.13169214 112.30859375 66.04296875 C111.92171387 67.02958496 111.53483398 68.01620117 111.13623047 69.03271484 C109.35228499 73.69151874 107.73689077 78.40446276 106.125 83.125 C103.22787279 91.5692061 100.18885665 99.95053167 97.0625 108.3125 C93.20635258 118.63251175 89.52018191 129.00088041 85.95532227 139.42504883 C84.05339842 144.98509951 82.09720817 150.51044255 80 156 C75.01652776 154.33494701 70.9678708 151.48667855 66.6484375 148.57421875 C65.83492828 148.03078323 65.02141907 147.48734772 64.18325806 146.92744446 C61.5775955 145.18509859 58.9763349 143.4362986 56.375 141.6875 C54.67995576 140.55363532 52.98464553 139.42016818 51.2890625 138.28710938 C41.90849715 132.0105083 32.56781067 125.67733454 23.26315308 119.28874207 C19.1327514 116.45314187 14.98867153 113.64278853 10.8125 110.875 C3.47648577 106.0121513 -3.75720714 101.00010066 -11 96 C-9.85544272 83.60564941 -8.45426399 71.25015536 -6.93676758 58.89630127 C-5.32222162 45.7493394 -3.77494123 32.59514739 -2.25 19.4375 C-2.13731781 18.46569794 -2.02463562 17.49389587 -1.90853882 16.49264526 C-1.27125885 10.99522378 -0.63511577 5.49767192 0 0 Z " fill="#FDFDFD" transform="translate(2891,1630)"/>
<path d="M0 0 C4.63706613 1.68891667 7.62629533 4.16064529 11.125 7.5625 C15.15888624 11.39054654 19.21847733 15.082238 23.5625 18.5625 C28.05735393 22.17012586 32.30592205 25.99261465 36.52197266 29.91650391 C39.73316873 32.88730066 43.02636841 35.69968321 46.4375 38.4375 C51.21621628 42.28110057 55.69157687 46.36960164 60.16381836 50.55834961 C63.51099327 53.67553945 66.93005023 56.63573798 70.5 59.5 C75.33878685 63.38236485 79.89288616 67.50527746 84.41015625 71.75195312 C87.84030991 74.96988768 91.36110275 78.01925905 95 81 C93.32925008 84.83344286 90.83886869 87.94417046 88.25 91.1875 C87.77264404 91.79045898 87.29528809 92.39341797 86.8034668 93.01464844 C81.68871884 99.44592646 76.44739955 105.77330456 71.2109375 112.10546875 C68.13659797 115.82643076 65.11204823 119.58427584 62.109375 123.36328125 C59.88149096 126.1481363 57.63080754 128.91345116 55.37719727 131.67749023 C50.25177926 137.96410683 45.18055999 144.28586748 40.18896484 150.67919922 C34.5616097 157.86844934 28.77558013 164.92973497 23 172 C18.45409855 167.75373424 14.86908322 163.0006272 11.1875 158 C9.85233343 156.20255209 8.51636941 154.40569631 7.1796875 152.609375 C6.14859863 151.22202148 6.14859863 151.22202148 5.09667969 149.80664062 C1.70190037 145.26234823 -1.74267181 140.75640023 -5.1875 136.25 C-10.29125038 129.56632833 -15.37030564 122.86599563 -20.3984375 116.12524414 C-23.32404217 112.21065356 -26.28217498 108.32295488 -29.26171875 104.44921875 C-29.99455078 103.49466797 -30.72738281 102.54011719 -31.48242188 101.55664062 C-32.92949586 99.67377819 -34.37991058 97.7934776 -35.83398438 95.91601562 C-36.49076172 95.06072266 -37.14753906 94.20542969 -37.82421875 93.32421875 C-38.41291748 92.56197998 -39.00161621 91.79974121 -39.6081543 91.0144043 C-41 89 -41 89 -42 86 C-41.2172699 83.78404236 -41.2172699 83.78404236 -39.92749023 81.16772461 C-39.44957535 80.185746 -38.97166046 79.2037674 -38.47926331 78.19203186 C-37.68321938 76.59457375 -37.68321938 76.59457375 -36.87109375 74.96484375 C-36.32754745 73.8544725 -35.78400116 72.74410126 -35.22398376 71.6000824 C-34.07138171 69.2478293 -32.91446932 66.89768414 -31.75360107 64.54949951 C-30.07287937 61.14751661 -28.40516469 57.73953732 -26.74267578 54.32861328 C-24.06623967 48.83953553 -21.37965489 43.35552272 -18.68823242 37.8737793 C-17.03776165 34.51211313 -15.38888153 31.14967022 -13.74023438 27.78710938 C-12.67196504 25.60933083 -11.60360896 23.43159483 -10.53515625 21.25390625 C-10.05176285 20.26838272 -9.56836945 19.28285919 -9.07032776 18.26747131 C-6.0735456 12.16483854 -3.0492402 6.07659182 0 0 Z " fill="#FDFDFD" transform="translate(2997,1919)"/>
<path d="M0 0 C2.52806125 1.23911966 3.63953744 2.70604568 5.31860352 4.96459961 C5.95540039 5.81086914 6.59219727 6.65713867 7.24829102 7.52905273 C7.92375977 8.44879883 8.59922852 9.36854492 9.29516602 10.31616211 C10.00415039 11.26426758 10.71313477 12.21237305 11.44360352 13.18920898 C13.61411989 16.09808852 15.76935054 19.01769445 17.92016602 21.94116211 C18.53279297 22.77164062 19.14541992 23.60211914 19.77661133 24.45776367 C22.06449776 27.55991747 24.35033232 30.66352396 26.62866211 33.77270508 C30.99019797 39.71577498 35.43981969 45.58728679 39.92016602 51.44116211 C46.86386836 60.51661462 53.68165724 69.67751229 60.42504883 78.90258789 C61.79800883 80.77460226 63.18073844 82.6387792 64.56860352 84.49975586 C65.67075195 85.98668945 65.67075195 85.98668945 66.79516602 87.50366211 C67.41133789 88.32995117 68.02750977 89.15624023 68.66235352 90.00756836 C69.92016602 91.94116211 69.92016602 91.94116211 69.92016602 93.94116211 C55.06525296 100.4184571 40.19063097 106.84821 25.29370117 113.22827148 C22.15708157 114.57176651 19.02102243 115.91656357 15.88500977 117.26147461 C11.82308392 119.00347002 7.758278 120.73849588 3.69165039 122.46948242 C-0.10144755 124.0862153 -3.87937889 125.7325152 -7.64819336 127.4050293 C-8.51736389 127.78533295 -9.38653442 128.1656366 -10.28204346 128.5574646 C-11.89916877 129.26527019 -13.5119729 129.98306877 -15.11932373 130.71279907 C-19.10890314 132.44359313 -21.79956863 133.58302901 -26.07983398 131.94116211 C-28.36889648 130.19116211 -28.36889648 130.19116211 -30.70483398 127.94116211 C-34.19309836 124.66962422 -37.7212544 121.55518392 -41.45483398 118.56616211 C-46.00763906 114.88544364 -50.31400809 111.01467563 -54.59667969 107.02978516 C-58.70744356 103.22731196 -63.00249922 99.69852912 -67.36499023 96.18725586 C-70.18656894 93.85285621 -72.8857411 91.42125613 -75.57983398 88.94116211 C-80.10390186 84.77901966 -84.77112774 80.85407691 -89.55249023 76.99194336 C-92.78385014 74.36989707 -95.93532868 71.66640004 -99.07983398 68.94116211 C-95.00637637 64.52757483 -90.50376216 61.32403543 -85.51733398 58.00366211 C-83.80181737 56.84580426 -82.08699518 55.68691697 -80.37280273 54.52709961 C-79.05481689 53.63716309 -79.05481689 53.63716309 -77.71020508 52.72924805 C-73.5541393 49.90401826 -69.44133949 47.0181951 -65.32983398 44.12866211 C-58.09196729 39.04857153 -50.84140898 33.98731049 -43.57983398 28.94116211 C-34.58171019 22.68672852 -25.59728869 16.41305348 -16.62280273 10.12475586 C-15.88723145 9.61412598 -15.15166016 9.10349609 -14.39379883 8.57739258 C-12.71958284 7.39353569 -11.06602038 6.18028893 -9.42602539 4.94946289 C-8.54479004 4.2983252 -7.66355469 3.6471875 -6.75561523 2.97631836 C-5.95679932 2.37311768 -5.1579834 1.76991699 -4.33496094 1.1484375 C-2.07983398 -0.05883789 -2.07983398 -0.05883789 0 0 Z " fill="#FDFDFD" transform="translate(2240.079833984375,1085.058837890625)"/>
<path d="M0 0 C3.89867256 0.46916514 6.6623797 2.58007961 9.86328125 4.734375 C10.72640427 5.31193794 10.72640427 5.31193794 11.60696411 5.90116882 C13.51263226 7.17852103 15.4125534 8.46415609 17.3125 9.75 C18.6592872 10.65547476 20.00637928 11.5604962 21.35375977 12.46508789 C24.87791704 14.83366372 28.39689959 17.20980105 31.91394043 19.58892822 C33.92412804 20.94867798 35.93508208 22.30728593 37.94628906 23.66552734 C44.9776698 28.41518369 52.00188373 33.17532916 59.02175903 37.94197083 C66.12217185 42.7630475 73.22833001 47.5756339 80.33450317 52.38821411 C83.65938824 54.64004199 86.98398456 56.89229609 90.30859375 59.14453125 C91.42114113 59.8981955 92.5336898 60.65185784 93.64624023 61.40551758 C94.81135132 62.19478638 94.81135132 62.19478638 96 63 C94.69983484 65.89631874 93.36489577 67.85194306 91.0234375 69.98828125 C90.43933105 70.52598145 89.85522461 71.06368164 89.25341797 71.61767578 C88.32360107 72.45661377 88.32360107 72.45661377 87.375 73.3125 C86.73836426 73.89499512 86.10172852 74.47749023 85.44580078 75.07763672 C81.69016327 78.50378193 77.89506214 81.88118567 74.046875 85.203125 C71.36932097 87.55364953 68.74715185 89.96314604 66.125 92.375 C60.78366259 97.28795947 55.40204539 102.15379208 50 107 C48.33307353 108.49971128 46.66640851 109.99971321 45 111.5 C44.17628906 112.24121094 43.35257813 112.98242188 42.50390625 113.74609375 C40.82370149 115.25854015 39.14402049 116.77156859 37.46484375 118.28515625 C31.99641975 123.21265423 26.50826133 128.11707268 21 133 C15.05711778 131.08418829 9.2366201 128.97613143 3.45092773 126.63012695 C2.64982071 126.30782104 1.84871368 125.98551514 1.02333069 125.65344238 C-1.59094589 124.60092657 -4.20368105 123.54464154 -6.81640625 122.48828125 C-8.64190884 121.75246623 -10.4675075 121.01688949 -12.29319763 120.28153992 C-17.07311343 118.35555278 -21.85172603 116.42635296 -26.63006592 114.49645996 C-31.51625962 112.52367641 -36.40369069 110.55396337 -41.29101562 108.58398438 C-50.86188419 104.72564456 -60.43137754 100.86390644 -70 97 C-68.75099411 93.77673038 -67.56403917 91.14255395 -65.41796875 88.42578125 C-64.90500244 87.76787598 -64.39203613 87.1099707 -63.86352539 86.43212891 C-63.31043701 85.73265137 -62.75734863 85.03317383 -62.1875 84.3125 C-57.53163125 78.32740246 -52.97958618 72.28856542 -48.5625 66.125 C-44.10134337 59.90821454 -39.60666517 53.71892739 -35.0625 47.5625 C-34.19165771 46.38240356 -34.19165771 46.38240356 -33.30322266 45.1784668 C-30.94639339 41.98634279 -28.58790848 38.79544374 -26.22949219 35.60449219 C-24.46472423 33.21606244 -22.70078338 30.82702595 -20.9375 28.4375 C-20.36692871 27.6643042 -19.79635742 26.8911084 -19.20849609 26.09448242 C-14.42640227 19.60256321 -9.69990264 13.07129734 -4.99780273 6.52124023 C-4.48677002 5.81040283 -3.9757373 5.09956543 -3.44921875 4.3671875 C-2.99893311 3.73925293 -2.54864746 3.11131836 -2.0847168 2.46435547 C-1 1 -1 1 0 0 Z " fill="#FDFDFD" transform="translate(1905,1089)"/>
<path d="M0 0 C0.33 0 0.66 0 1 0 C0.40218327 14.82288427 -0.46156483 29.61284475 -1.4987793 44.41113281 C-1.94852923 50.83613188 -2.38870052 57.26178771 -2.828125 63.6875 C-2.87498444 64.37186127 -2.92184387 65.05622253 -2.97012329 65.76132202 C-3.75337592 77.214079 -4.50239913 88.66885796 -5.234375 100.125 C-5.31302921 101.35571732 -5.31302921 101.35571732 -5.3932724 102.61129761 C-5.90875751 110.68296921 -6.42150775 118.75481194 -6.93141842 126.82683754 C-8.72399312 155.1831314 -10.64734589 183.53027481 -12.58221108 211.87717426 C-12.91154694 216.70247237 -13.24041145 221.52780245 -13.56903076 226.35314941 C-14.6419712 242.10680994 -15.71729677 257.8603047 -16.79662132 273.61352921 C-17.29854677 280.93986869 -17.79969467 288.2662598 -18.29907227 295.59277344 C-18.74704415 302.1650931 -19.19635187 308.7373198 -19.64729625 315.3094362 C-19.88240952 318.73659778 -20.11690526 322.16379873 -20.34976768 325.59111404 C-20.60599396 329.35725365 -20.86460059 333.12322274 -21.1237793 336.88916016 C-21.23519508 338.53900658 -21.23519508 338.53900658 -21.34886169 340.22218323 C-21.76097133 346.17004487 -22.29575043 352.07941856 -23 358 C-24.83990545 354.4693615 -25.89730445 351.05859023 -26.92016602 347.20068359 C-27.10107285 346.52319565 -27.28197968 345.8457077 -27.46836853 345.14768982 C-28.06770271 342.89902109 -28.66080843 340.64875841 -29.25390625 338.3984375 C-29.67751607 336.80398738 -30.10150936 335.2096391 -30.52586365 333.61538696 C-31.64910245 329.39127788 -32.76707568 325.16579224 -33.88397217 320.94000244 C-34.98525703 316.77687423 -36.09146568 312.61505572 -37.19726562 308.453125 C-40.44830799 296.21128179 -43.69039808 283.96707372 -46.92102909 271.71982765 C-47.73892331 268.61956324 -48.55759775 265.51950507 -49.37629509 262.41945267 C-49.93722006 260.29382461 -50.49679721 258.16784507 -51.05628967 256.0418396 C-52.98999364 248.70923493 -54.99242812 241.40238358 -57.125 234.125 C-59.82534587 224.85293114 -62.15527597 215.50239116 -64.44995117 206.12231445 C-66.40611853 198.18296369 -68.60135011 190.38109791 -71.15234375 182.61328125 C-73.47941414 172.69374159 -70.84140865 166.23451723 -66.625 157.125 C-65.42577505 154.46181562 -64.23914687 151.79304424 -63.05078125 149.125 C-62.73133041 148.41215851 -62.41187958 147.69931702 -62.08274841 146.96487427 C-57.82049975 137.424833 -53.83054019 127.76969608 -49.8125 118.125 C-49.02451979 116.23795897 -48.23635341 114.35099566 -47.44799805 112.46411133 C-44.36691572 105.08716808 -41.29209032 97.7076403 -38.2265625 90.32421875 C-32.74954647 77.13413635 -27.1785565 63.98550404 -21.58370972 50.84506226 C-15.96023339 37.63704884 -10.37810677 24.41249893 -4.84643555 11.16577148 C-4.35054932 9.97927002 -3.85466309 8.79276855 -3.34375 7.5703125 C-2.91255859 6.53664551 -2.48136719 5.50297852 -2.03710938 4.43798828 C-1.39993609 2.94015108 -0.72794314 1.45588628 0 0 Z " fill="#FDFDFD" transform="translate(872,1828)"/>
<path d="M0 0 C7.50578426 21.65789888 14.8388954 43.35205393 21.68988037 65.22686768 C25.19444336 76.41593035 28.78644302 87.54558863 32.81787109 98.55908203 C33.25800537 99.77700439 33.25800537 99.77700439 33.70703125 101.01953125 C33.9594458 101.70120361 34.21186035 102.38287598 34.47192383 103.08520508 C35 105 35 105 35 109 C23.56406047 110.4426337 12.15229097 111.52277786 0.65234375 112.2890625 C-0.94089174 112.39801986 -2.53410729 112.50726895 -4.12730408 112.61679077 C-7.42869203 112.84284781 -10.73025287 113.06609904 -14.03198242 113.28710938 C-18.24489078 113.56924757 -22.4573475 113.85758356 -26.66970158 114.1478672 C-29.94420893 114.37301314 -33.21889757 114.59542327 -36.49365044 114.81696701 C-38.04730533 114.92230078 -39.60091209 115.02834727 -41.15446663 115.13515091 C-43.32293957 115.28371388 -45.4916235 115.42870483 -47.66040039 115.57275391 C-48.88819717 115.65554596 -50.11599396 115.73833801 -51.3809967 115.82363892 C-62.59202198 116.36997403 -62.59202198 116.36997403 -64.93945312 114.24121094 C-65.60364258 113.00032715 -65.60364258 113.00032715 -66.28125 111.734375 C-66.80460937 110.7959375 -67.32796875 109.8575 -67.8671875 108.890625 C-68.40601562 107.85421875 -68.94484375 106.8178125 -69.5 105.75 C-70.71856744 103.53635783 -71.93732504 101.32282033 -73.15625 99.109375 C-73.79119922 97.93209039 -74.42530385 96.7543499 -75.05859375 95.57617188 C-77.93548017 90.24615467 -80.97053774 85.00660901 -83.99084473 79.75704956 C-85.00097985 77.99829398 -86.00665575 76.23706852 -87.01074219 74.47485352 C-92.64159807 64.5926004 -98.36252377 54.76445385 -104.109375 44.94921875 C-104.8528418 43.66990479 -104.8528418 43.66990479 -105.61132812 42.36474609 C-106.49353548 40.86244996 -107.39159951 39.369268 -108.31054688 37.88916016 C-109.28047071 36.30204975 -110.15193797 34.65543422 -111 33 C-110.67 32.01 -110.34 31.02 -110 30 C-107.70605469 29.08032227 -107.70605469 29.08032227 -104.671875 28.31640625 C-103.56908203 28.03087891 -102.46628906 27.74535156 -101.33007812 27.45117188 C-100.14865234 27.15791016 -98.96722656 26.86464844 -97.75 26.5625 C-95.33811513 25.94045355 -92.92664977 25.31677809 -90.515625 24.69140625 C-89.42540039 24.41498291 -88.33517578 24.13855957 -87.21191406 23.85375977 C-82.97471981 22.72746999 -78.80578903 21.41572059 -74.62890625 20.0859375 C-69.2635689 18.48037907 -63.84937373 17.064587 -58.4375 15.625 C-50.48484135 13.50681335 -42.561853 11.33131601 -34.6875 8.9375 C-33.90044678 8.69837891 -33.11339355 8.45925781 -32.30249023 8.21289062 C-31.1221521 7.85420898 -31.1221521 7.85420898 -29.91796875 7.48828125 C-24.45620883 5.82939267 -18.98207657 4.21538284 -13.5 2.625 C-12.16328247 2.23042603 -12.16328247 2.23042603 -10.79956055 1.82788086 C-9.55299683 1.46835327 -9.55299683 1.46835327 -8.28125 1.1015625 C-7.54970703 0.88838379 -6.81816406 0.67520508 -6.06445312 0.45556641 C-4 0 -4 0 0 0 Z " fill="#FDFDFD" transform="translate(2558,1194)"/>
<path d="M0 0 C1.20268693 3.60806079 0.7630452 4.15202321 -0.78125 7.49609375 C-1.20277344 8.42711914 -1.62429688 9.35814453 -2.05859375 10.31738281 C-2.53425781 11.34702148 -3.00992188 12.37666016 -3.5 13.4375 C-4.53452728 15.73159784 -5.56558299 18.02726334 -6.59375 20.32421875 C-6.86880371 20.93770172 -7.14385742 21.55118469 -7.42724609 22.18325806 C-10.75915278 29.64643717 -13.87518601 37.19840073 -17 44.75 C-18.28548289 47.85066561 -19.57217406 50.95082851 -20.859375 54.05078125 C-21.1911676 54.84996979 -21.52296021 55.64915833 -21.86480713 56.4725647 C-25.95377042 66.31081757 -30.10169934 76.12415546 -34.25 85.9375 C-34.84586411 87.34740707 -34.84586411 87.34740707 -35.45376587 88.78579712 C-37.48443579 93.59049486 -39.51570278 98.3949398 -41.54736328 103.19921875 C-45.59749437 112.77720151 -49.64255586 122.35732581 -53.6875 131.9375 C-54.0835141 132.87542389 -54.4795282 133.81334778 -54.88754272 134.7796936 C-60.28333243 147.55971762 -65.67732352 160.34049961 -71.0625 173.125 C-71.38456421 173.88958527 -71.70662842 174.65417053 -72.03845215 175.44192505 C-75.83683564 184.46160153 -79.62421317 193.48581164 -83.3984375 202.515625 C-83.77026657 203.4051889 -84.14209564 204.29475281 -84.52519226 205.21127319 C-84.89900528 206.10561066 -85.2728183 206.99994812 -85.65795898 207.92138672 C-86.41779397 209.73926284 -87.177641 211.55713392 -87.9375 213.375 C-88.31399689 214.27575256 -88.69049377 215.17650513 -89.07839966 216.10455322 C-94.84711618 229.90162532 -100.66868684 243.67536555 -106.53686523 257.43041992 C-110.73316299 267.26663686 -114.89192232 277.11713198 -118.99609375 286.9921875 C-119.41053741 287.98808899 -119.82498108 288.98399048 -120.25198364 290.0100708 C-122.27045137 294.86098837 -124.28397629 299.71384843 -126.2890625 304.5703125 C-127.0141119 306.31519186 -127.73936161 308.05998801 -128.46484375 309.8046875 C-128.79423447 310.60784393 -129.12362518 311.41100037 -129.46299744 312.23849487 C-131.77291354 317.77291354 -131.77291354 317.77291354 -134 320 C-134.18487282 309.15262146 -133.60862198 298.46008119 -132.828125 287.6484375 C-132.70408157 285.88124757 -132.58043403 284.1140298 -132.45715332 282.3467865 C-132.12859039 277.65603391 -131.79377524 272.96574818 -131.45744324 268.27554703 C-131.17925448 264.38581034 -130.90470062 260.49582027 -130.63005447 256.6058321 C-128.72184481 229.59266114 -126.72525979 202.58718469 -124.59300232 175.5907135 C-124.16053776 170.1007337 -123.74468271 164.60984234 -123.34765625 159.1171875 C-123.25452148 157.83030029 -123.16138672 156.54341309 -123.06542969 155.2175293 C-122.90638361 152.99779263 -122.74920762 150.77792037 -122.59472656 148.55786133 C-122.46790993 146.78660415 -122.33213625 145.01594644 -122.18408203 143.24633789 C-122.01985044 141.24223329 -121.90312771 139.23436535 -121.79296875 137.2265625 C-120.75678802 133.01037885 -118.50066037 130.65159482 -115.5 127.6875 C-114.39916181 126.55003805 -113.29890631 125.4120119 -112.19921875 124.2734375 C-111.65442871 123.71881836 -111.10963867 123.16419922 -110.54833984 122.59277344 C-108.40584385 120.38879301 -106.35729861 118.10701738 -104.3125 115.8125 C-103.59707031 115.01457031 -102.88164063 114.21664063 -102.14453125 113.39453125 C-101.43683594 112.60433594 -100.72914063 111.81414062 -100 111 C-98.50043381 109.332943 -97.00042947 107.66628005 -95.5 106 C-94.7575 105.175 -94.015 104.35 -93.25 103.5 C-86.5 96 -86.5 96 -84.2421875 93.4921875 C-82.76707382 91.85260121 -81.29308348 90.21200345 -79.8203125 88.5703125 C-75.69902232 83.9796939 -71.55126212 79.41552893 -67.375 74.875 C-64.37819989 71.61609506 -61.40085453 68.34500451 -58.5 65 C-55.13677362 61.12182987 -51.66664329 57.34472189 -48.19189453 53.56689453 C-43.75776372 48.74415109 -39.3748176 43.8765888 -35 39 C-33.50028872 37.33307353 -32.00028679 35.66640851 -30.5 34 C-29.7575 33.175 -29.015 32.35 -28.25 31.5 C-24.875 27.75 -24.875 27.75 -21.5 24 C-20.38818359 22.76443359 -20.38818359 22.76443359 -19.25390625 21.50390625 C-17.74145985 19.82370149 -16.22843141 18.14402049 -14.71484375 16.46484375 C-9.78734577 10.99641975 -4.88292732 5.50826133 0 0 Z " fill="#FDFDFD" transform="translate(1019,1457)"/>
<path d="M0 0 C1.89364396 2.84046594 2.5016163 4.45888048 3.26171875 7.69921875 C3.48988281 8.64861328 3.71804688 9.59800781 3.953125 10.57617188 C4.31664062 12.1162793 4.31664062 12.1162793 4.6875 13.6875 C6.74906253 22.19529164 8.99140213 30.61328387 11.5 39 C14.16838837 47.9459197 16.52215594 56.93056558 18.73046875 66 C20.71633709 74.06956022 23.01540996 82.02218506 25.39013672 89.98461914 C27.78819669 98.09679602 29.86218741 106.26688959 31.86889648 114.48339844 C33.46492685 120.97873408 35.23836772 127.38747573 37.18066406 133.78662109 C38.98505041 139.79116992 40.47337941 145.85621967 41.95509338 151.94708252 C43.51938636 158.28005908 45.29906463 164.52727566 47.1640625 170.77734375 C51.19083455 184.43933827 54.83777857 198.19640835 58.46463776 211.96886444 C59.38135817 215.44685239 60.30177878 218.92386035 61.22216797 222.40087891 C61.40858541 223.10514071 61.59500286 223.8094025 61.78706932 224.53500557 C62.16559769 225.96498535 62.54414222 227.39496084 62.92270279 228.8249321 C63.492265 230.9768553 64.06145906 233.12887561 64.63058472 235.28091431 C68.43249229 249.6535459 72.27457357 264.01529113 76.125 278.375 C76.72135557 280.60026004 77.31770978 282.82552045 77.9140625 285.05078125 C78.20045593 286.11846741 78.48684937 287.18615356 78.78192139 288.28619385 C79.34233932 290.37715856 79.90165297 292.4684196 80.45977783 294.55999756 C81.94772614 300.12636832 83.46553881 305.68284733 85.01855469 311.23144531 C85.34838348 312.42194489 85.67821228 313.61244446 86.01803589 314.83901978 C86.65371146 317.13110408 87.2970232 319.42108826 87.94900513 321.70858765 C88.23250824 322.73626251 88.51601135 323.76393738 88.80810547 324.82275391 C89.06284637 325.72796783 89.31758728 326.63318176 89.58004761 327.56582642 C90.01635151 330.0947784 89.82407648 331.59527261 89 334 C83.87152584 327.15197863 79.05109974 320.14203505 74.33007812 313.01074219 C69.19253819 305.26073511 63.97245059 297.56788281 58.75 289.875 C52.29232405 280.36014655 45.86446581 270.82755626 39.5 261.25 C34.53133645 253.77524724 29.51801103 246.33550159 24.43481445 238.93823242 C18.64660688 230.50614824 12.9179168 222.03390588 7.1875 213.5625 C6.69313446 212.83202454 6.19876892 212.10154907 5.68942261 211.34893799 C5.20466461 210.63260193 4.71990662 209.91626587 4.22045898 209.17822266 C3.50461388 208.1213324 3.50461388 208.1213324 2.77430725 207.04309082 C1.83409683 205.65038423 0.89763204 204.25514108 -0.03492737 202.8572998 C-2.11146343 199.74955304 -4.20795261 196.68834744 -6.47802734 193.71826172 C-7.21102051 192.72713379 -7.94401367 191.73600586 -8.69921875 190.71484375 C-9.66154419 189.4772229 -9.66154419 189.4772229 -10.64331055 188.21459961 C-14.27631652 179.60639559 -11.76724236 168.15231863 -11.08203125 159.0390625 C-10.98314941 157.6776807 -10.88473447 156.31626492 -10.78674316 154.95481873 C-10.5761765 152.03751766 -10.36332183 149.12039708 -10.14859009 146.20339966 C-9.56686849 138.29397076 -9.00160501 130.38335815 -8.4375 122.47265625 C-8.37860407 121.64818182 -8.31970814 120.82370739 -8.25902748 119.97424889 C-7.32833087 106.92230751 -6.45672785 93.86720151 -5.625 80.80859375 C-5.54169213 79.50118225 -5.54169213 79.50118225 -5.45670128 78.1673584 C-4.91566673 69.66450836 -4.3805752 61.16129484 -3.85083675 52.65773392 C-3.60657599 48.74177401 -3.3606167 44.82592312 -3.11328125 40.91015625 C-3.06647028 40.16900574 -3.01965931 39.42785522 -2.97142982 38.66424561 C-2.15189212 25.76110321 -1.1519252 12.87803423 0 0 Z " fill="#FCFCFC" transform="translate(853,2234)"/>
<path d="M0 0 C2.92408495 2.7642052 5.16750258 5.54370491 7.3515625 8.91796875 C8.04797852 9.98063965 8.74439453 11.04331055 9.46191406 12.13818359 C9.85817993 12.74353943 10.2544458 13.34889526 10.66271973 13.97259521 C13.33301075 18.02093191 16.05792676 22.03270512 18.7734375 26.05078125 C20.02349905 27.90295325 21.27349791 29.75516757 22.5234375 31.60742188 C24.44714007 34.45703466 26.37098393 37.30655198 28.29492188 40.15600586 C34.60939703 49.50895863 40.92109958 58.8631084 47.17034912 68.25979614 C53.27684019 77.43255364 59.45870982 86.55489804 65.625 95.6875 C79.7396439 116.59352226 79.7396439 116.59352226 85.82666016 125.74682617 C91.94655642 134.90742129 98.1301162 144.02560254 104.29492188 153.15600586 C110.60939703 162.50895863 116.92109958 171.8631084 123.17034912 181.25979614 C129.27684019 190.43255364 135.45870982 199.55489804 141.625 208.6875 C144.15925639 212.44113493 146.69315911 216.19500806 149.2265625 219.94921875 C149.83147522 220.84551498 150.43638794 221.74181122 151.05963135 222.66526794 C154.14592398 227.24100179 157.22055682 231.82378941 160.2734375 236.421875 C163.12135659 240.70672995 166.01980659 244.95398876 168.9375 249.19140625 C170.19903824 251.02851615 171.46017129 252.86590356 172.72119141 254.70336914 C173.58585577 255.96041746 174.45278108 257.21591311 175.32177734 258.4699707 C176.59596334 260.31027759 177.8612496 262.15642337 179.125 264.00390625 C179.87007812 265.08486572 180.61515625 266.1658252 181.3828125 267.27954102 C183 270 183 270 183 273 C181.50726562 271.85337891 181.50726562 271.85337891 179.984375 270.68359375 C171.27308451 264.00204664 162.52168843 257.37774845 153.72973633 250.80273438 C147.60454817 246.21689424 141.51548027 241.58566399 135.4375 236.9375 C128.07079135 231.30664839 120.643966 225.76779786 113.16381836 220.28881836 C106.32156327 215.26529165 99.57629671 210.11998077 92.8359375 204.9609375 C87.86893644 201.16609008 82.88102388 197.40567243 77.83398438 193.71777344 C76.2726051 192.56862442 74.72176872 191.40501694 73.18164062 190.22753906 C69.09636165 187.12689081 65.06985485 184.44384563 60.53125 182.046875 C49.22878659 175.59485343 44.17225303 168.88648102 40.62133789 156.54553223 C38.6874646 149.33478486 37.09809236 142.04757346 35.62084961 134.7310791 C34.00063429 126.72274586 31.85354715 118.91714393 29.59008789 111.07073975 C27.97526696 105.40400104 26.50742354 99.69597524 25 94 C22.66892229 85.21762804 20.31436924 76.44345149 17.86108398 67.69433594 C15.73993466 60.11213037 13.70417117 52.50712631 11.66479492 44.90258789 C10.23247503 39.56507732 8.79269814 34.23003213 7.32421875 28.90234375 C4.67972927 19.30669392 2.09376135 9.73415365 0 0 Z " fill="#FDFDFD" transform="translate(970,2635)"/>
<path d="M0 0 C0 0.99 0 1.98 0 3 C-0.66 3 -1.32 3 -2 3 C-2.39505737 3.87833496 -2.39505737 3.87833496 -2.7980957 4.77441406 C-4.05322783 7.09856286 -5.40685954 8.70607738 -7.23046875 10.609375 C-7.86919922 11.28226563 -8.50792969 11.95515625 -9.16601562 12.6484375 C-10.16665039 13.68871094 -10.16665039 13.68871094 -11.1875 14.75 C-15.68777911 19.46073992 -20.10462687 24.21060107 -24.37231445 29.13378906 C-26.69974673 31.80228948 -29.09708002 34.39919249 -31.5 37 C-35.12187167 40.93194867 -38.68960906 44.90216297 -42.19140625 48.94140625 C-45.2777948 52.45442302 -48.44628778 55.89299818 -51.59765625 59.34765625 C-53.56941844 61.52460996 -55.51365337 63.71838674 -57.4375 65.9375 C-60.86768576 69.88667367 -64.41003518 73.73022305 -67.95288086 77.57788086 C-70.50540453 80.3547637 -73.02975746 83.14972015 -75.5 86 C-78.43844065 89.39050844 -81.46116302 92.69966982 -84.5 96 C-88.1441694 99.95859723 -91.73913779 103.95176832 -95.265625 108.015625 C-98.79500714 112.05374691 -102.40634226 116.01914681 -106 120 C-107.50028679 121.66640851 -109.00028872 123.33307353 -110.5 125 C-113.5 128.33333333 -116.5 131.66666667 -119.5 135 C-120.23992187 135.82242187 -120.97984375 136.64484375 -121.7421875 137.4921875 C-123.26708244 139.18592894 -124.79315402 140.87861169 -126.3203125 142.5703125 C-129.69912708 146.31564256 -133.06895965 150.06518207 -136.375 153.875 C-139.82851561 157.84252724 -143.3900394 161.7084764 -146.95263672 165.57763672 C-149.50525763 168.35458682 -152.02968205 171.14963313 -154.5 174 C-157.43844065 177.39050844 -160.46116302 180.69966982 -163.5 184 C-167.1441694 187.95859723 -170.73913779 191.95176832 -174.265625 196.015625 C-177.79500714 200.05374691 -181.40634226 204.01914681 -185 208 C-186.50028679 209.66640851 -188.00028872 211.33307353 -189.5 213 C-192.5 216.33333333 -195.5 219.66666667 -198.5 223 C-199.60794922 224.23169922 -199.60794922 224.23169922 -200.73828125 225.48828125 C-202.27562686 227.19555798 -203.81475555 228.90123044 -205.35546875 230.60546875 C-209.63916046 235.34838369 -213.86696092 240.12513339 -218 245 C-218.33 244.34 -218.66 243.68 -219 243 C-218.28515625 240.87597656 -218.28515625 240.87597656 -217.0625 238.140625 C-216.59223389 237.07408691 -216.12196777 236.00754883 -215.63745117 234.90869141 C-215.24183487 234.02519012 -215.24183487 234.02519012 -214.83822632 233.12384033 C-213.32869254 229.74930386 -211.84822538 226.36197303 -210.36328125 222.9765625 C-210.02661942 222.21076874 -209.68995758 221.44497498 -209.34309387 220.65597534 C-205.02757823 210.82026972 -200.83960894 200.93012973 -196.64016724 191.04446411 C-194.17134719 185.23305641 -191.69926937 179.42303604 -189.2265625 173.61328125 C-188.46911491 171.83361214 -188.46911491 171.83361214 -187.69636536 170.01799011 C-183.96284351 161.25048719 -180.21585064 152.48882772 -176.4609375 143.73046875 C-176.05690799 142.78804573 -176.05690799 142.78804573 -175.64471626 141.82658386 C-172.78800001 135.16371616 -169.92917751 128.50175413 -167.0690918 121.84033203 C-166.59379532 120.73164764 -166.11849884 119.62296326 -165.62879944 118.48068237 C-164.70317862 116.32573851 -163.77401958 114.17231044 -162.84104919 112.02053833 C-160.74895455 107.17919947 -158.72173914 102.33573838 -156.86865234 97.39746094 C-151.17439761 82.41302536 -151.17439761 82.41302536 -144.05126953 78.72485352 C-143.20935059 78.36190186 -142.36743164 77.9989502 -141.5 77.625 C-140.59491699 77.17116943 -139.68983398 76.71733887 -138.75732422 76.24975586 C-136.83844518 75.28769447 -134.9081947 74.34801249 -132.96777344 73.43017578 C-127.91860572 70.99697206 -123.03757261 68.25785844 -118.125 65.5625 C-116.09680435 64.46921652 -114.06815722 63.37677019 -112.0390625 62.28515625 C-106.14959926 59.09810663 -100.31965368 55.81241146 -94.5 52.5 C-85.60166834 47.43706393 -76.63341355 42.5186995 -67.62231445 37.65966797 C-59.57701091 33.32017134 -51.57821507 28.9035334 -43.59716797 24.44726562 C-40.52690793 22.73637058 -37.45303527 21.03205837 -34.37890625 19.328125 C-17.13034937 9.76892082 -17.13034937 9.76892082 0 0 Z " fill="#FCFCFC" transform="translate(1275,1150)"/>
<path d="M0 0 C0.45101074 0.87229248 0.45101074 0.87229248 0.91113281 1.76220703 C7.57043487 14.62528066 14.34342947 27.41700072 21.30859375 40.1171875 C21.75315918 40.92897461 22.19772461 41.74076172 22.65576172 42.57714844 C23.57520542 44.23435135 24.50990712 45.88315572 25.45751953 47.52441406 C25.91626465 48.32331055 26.37500977 49.12220703 26.84765625 49.9453125 C27.26152588 50.65445801 27.67539551 51.36360352 28.10180664 52.09423828 C29 54 29 54 29 57 C27.671875 58.4375 27.671875 58.4375 25.75 60 C22.07632302 63.07442471 18.51589354 66.24736984 15 69.5 C11.72221083 72.52007103 8.43416626 75.52204229 5.0625 78.4375 C1.47041409 81.54964124 -2.01551992 84.76872086 -5.5 88 C-9.58570879 91.78881936 -13.70393273 95.52171864 -17.91796875 99.16796875 C-21.13491793 101.99864261 -24.2797068 104.90767016 -27.43334961 107.80834961 C-32.25603882 112.24236939 -37.12349669 116.62525909 -42 121 C-43.66692647 122.49971128 -45.33359149 123.99971321 -47 125.5 C-47.81597656 126.23089844 -48.63195313 126.96179687 -49.47265625 127.71484375 C-51.24437495 129.31678415 -53.00100075 130.93550141 -54.74609375 132.56640625 C-55.63425781 133.39011719 -56.52242187 134.21382812 -57.4375 135.0625 C-58.24058594 135.81660156 -59.04367187 136.57070312 -59.87109375 137.34765625 C-62 139 -62 139 -65 139 C-66.39111328 137.79760742 -66.39111328 137.79760742 -67.8203125 136.10546875 C-68.35084229 135.48534912 -68.88137207 134.86522949 -69.42797852 134.22631836 C-69.98799561 133.5535083 -70.5480127 132.88069824 -71.125 132.1875 C-71.99886353 131.15798218 -71.99886353 131.15798218 -72.89038086 130.10766602 C-76.8821352 125.38903684 -80.80182634 120.61168968 -84.69140625 115.80859375 C-87.91500637 111.88681966 -91.23344723 108.04936839 -94.54785156 104.2043457 C-98.42721414 99.69393519 -102.20331912 95.10711148 -105.953125 90.48828125 C-108.88802184 86.92047727 -111.92671669 83.44879703 -115 80 C-111.21878615 75.78723457 -106.63276597 72.81268301 -102 69.625 C-100.18742532 68.36729512 -98.37492744 67.10947956 -96.5625 65.8515625 C-95.63695312 65.2112207 -94.71140625 64.57087891 -93.7578125 63.91113281 C-89.49417875 60.95648294 -85.24749007 57.97778672 -81 55 C-79.33342523 53.83320206 -77.66675828 52.66653578 -76 51.5 C-75.175 50.9225 -74.35 50.345 -73.5 49.75 C-64.33333333 43.33333333 -55.16666667 36.91666667 -46 30.5 C-45.17411377 29.92185547 -44.34822754 29.34371094 -43.49731445 28.74804688 C-41.83969146 27.58775939 -40.18197741 26.42760198 -38.52416992 25.26757812 C-34.21835846 22.25439982 -29.91441028 19.2386092 -25.61328125 16.21875 C-24.72576172 15.59613281 -23.83824219 14.97351562 -22.92382812 14.33203125 C-21.24354425 13.15319335 -19.56381164 11.97356909 -17.88476562 10.79296875 C-15.59520668 9.18740357 -13.29998151 7.59059554 -11 6 C-9.75742432 5.13955078 -9.75742432 5.13955078 -8.48974609 4.26171875 C-7.27859131 3.43607422 -7.27859131 3.43607422 -6.04296875 2.59375 C-5.31489014 2.09552734 -4.58681152 1.59730469 -3.83666992 1.08398438 C-2 0 -2 0 0 0 Z " fill="#FDFDFD" transform="translate(1119,1868)"/>
<path d="M0 0 C18.38010969 1.2973921 36.68285904 3.01600752 55 5 C56.55777663 8.55357858 57.40571027 11.77393596 57.92626953 15.61401367 C58.15800621 17.287743 58.15800621 17.287743 58.39442444 18.99528503 C58.5555925 20.20727066 58.71676056 21.41925629 58.8828125 22.66796875 C59.0582811 23.94758987 59.23374969 25.227211 59.41453552 26.54560852 C59.89275499 30.03351831 60.36314981 33.52244174 60.83195877 37.0116272 C61.32252514 40.65415228 61.81953225 44.29579752 62.31616211 47.9375 C62.92946799 52.43701708 63.5421977 56.93660818 64.15190125 61.43661499 C65.43653961 70.91199784 66.74738442 80.38333588 68.08311462 89.85164833 C68.73468589 94.47380213 69.3820219 99.0965521 70.03045654 103.71914673 C70.3832545 106.2262301 70.73792982 108.73305004 71.09454346 111.23959351 C71.59081874 114.73187829 72.07943765 118.22515713 72.56640625 121.71875 C72.71283066 122.73471756 72.85925507 123.75068512 73.01011658 124.79743958 C73.80961303 130.59420999 74.13816982 136.14792461 74 142 C72.7315625 142.15855469 71.463125 142.31710938 70.15625 142.48046875 C69.27815674 142.59028076 68.40006348 142.70009277 67.49536133 142.81323242 C65.45879001 143.06770009 63.42216694 143.32175388 61.38549805 143.57543945 C55.04755107 144.36569469 48.71056502 145.16280426 42.37466431 145.96928406 C38.75911113 146.42907259 35.14324355 146.88636062 31.52734375 147.34341431 C29.72039977 147.57243064 27.91359525 147.80254999 26.10693359 148.03378296 C23.53648566 148.36261541 20.96557163 148.6875556 18.39453125 149.01171875 C17.62144119 149.11158081 16.84835114 149.21144287 16.05183411 149.31433105 C12.34564429 149.77784652 8.73644412 150.11683604 5 150 C4.06532989 145.16152638 3.77154698 140.39541003 3.62695312 135.48217773 C3.59915268 134.64696594 3.57135223 133.81175415 3.54270935 132.95123291 C3.45185864 130.19545974 3.36659925 127.43954231 3.28125 124.68359375 C3.21820784 122.74706254 3.15476512 120.81054434 3.09094238 118.8740387 C2.92352156 113.76781639 2.76061658 108.66146069 2.59893799 103.55505371 C2.34132278 95.43755226 2.07743952 87.32025427 1.81248474 79.20298958 C1.72172001 76.40030342 1.6332118 73.59755343 1.54504395 70.79478455 C1.22952166 60.92984942 0.84487684 51.07259044 0.3276062 41.2159338 C-0.10611783 32.70519853 -0.11256426 24.20692553 -0.0625 15.6875 C-0.05745709 14.1451838 -0.05289929 12.60286594 -0.04882812 11.06054688 C-0.0380842 7.37366184 -0.02098649 3.68684275 0 0 Z " fill="#FDFDFD" transform="translate(1370,2764)"/>
<path d="M0 0 C4.54878633 0.64576471 8.40126552 2.42062775 12.50390625 4.38671875 C13.22303696 4.72621048 13.94216766 5.06570221 14.68309021 5.41548157 C16.97871581 6.50098757 19.27054641 7.5942659 21.5625 8.6875 C23.0759452 9.40347413 24.58961516 10.11897339 26.10351562 10.83398438 C34.45530455 14.7872258 42.75392414 18.83021053 51 23 C50.44676335 30.90444576 49.26831188 38.54100639 47.70703125 46.3046875 C47.48051376 47.4536702 47.25399628 48.60265289 47.02061462 49.78645325 C46.29010926 53.48375674 45.5514743 57.17938078 44.8125 60.875 C44.30528458 63.4332744 43.79845005 65.99162435 43.29199219 68.55004883 C40.62343451 82.00309883 37.90685065 95.44462332 35.08081055 108.86547852 C31.80649252 124.5272934 28.93206356 140.27121838 26 156 C22.85189785 157.00001332 20.7308605 156.95779295 17.51708984 156.2590332 C16.63451508 156.07166092 15.75194031 155.88428864 14.84262085 155.6912384 C13.41618759 155.37421211 13.41618759 155.37421211 11.9609375 155.05078125 C10.4686412 154.7299482 10.4686412 154.7299482 8.94619751 154.40263367 C5.7539405 153.71420206 2.56452005 153.01349077 -0.625 152.3125 C-2.71857702 151.85922633 -4.81232557 151.40674417 -6.90625 150.95507812 C-18.94803341 148.3513056 -30.97636502 145.68621232 -43 143 C-41.62975372 134.89668436 -39.26200477 127.20895277 -36.75927734 119.39746094 C-35.34214712 114.9227925 -33.98691677 110.42921717 -32.625 105.9375 C-32.02344371 103.95702936 -31.42188114 101.97656064 -30.8203125 99.99609375 C-30.51899414 99.00335449 -30.21767578 98.01061523 -29.90722656 96.98779297 C-28.44061941 92.15777729 -26.97015991 87.32893522 -25.5 82.5 C-24.91664723 80.58333925 -24.33331391 78.66667258 -23.75 76.75 C-20.25 65.25 -16.75 53.75 -13.25 42.25 C-12.9607666 41.29955811 -12.6715332 40.34911621 -12.37353516 39.36987305 C-11.7953182 37.47022512 -11.21687104 35.57064724 -10.63818359 33.67114258 C-9.0995879 28.61966622 -7.56603933 23.56672051 -6.0390625 18.51171875 C-5.71873047 17.45339844 -5.39839844 16.39507813 -5.06835938 15.3046875 C-4.45101415 13.26476413 -3.83507268 11.22441528 -3.22070312 9.18359375 C-2.80594727 7.81460938 -2.80594727 7.81460938 -2.3828125 6.41796875 C-2.13934082 5.61125732 -1.89586914 4.8045459 -1.64501953 3.97338867 C-1 2 -1 2 0 0 Z " fill="#FDFDFD" transform="translate(1188,2497)"/>
<path d="M0 0 C5.60457331 3.46298839 10.77053997 7.35190759 15.875 11.5 C21.59518866 16.14222884 27.42760232 20.59030441 33.375 24.9375 C39.42130587 29.35846785 45.43318539 33.81434723 51.375 38.375 C52.40173828 39.16293945 52.40173828 39.16293945 53.44921875 39.96679688 C54.8752458 41.06201728 56.30102127 42.15756531 57.7265625 43.25341797 C69.41688307 52.23457705 81.14977294 61.14494742 93.04638672 69.85131836 C99.19942428 74.37077773 105.22506791 79.03837804 111.23120117 83.75048828 C116.58264061 87.93471251 122.01569125 91.99189181 127.5 96 C133.74880518 100.56682662 139.91070065 105.22254971 146 110 C152.89183609 115.40579101 159.89034463 120.64301362 166.95825195 125.81591797 C172.96673657 130.21971335 178.89922478 134.71383034 184.8059082 139.25292969 C189.43029231 142.8050943 194.07878799 146.32217603 198.75 149.8125 C206.03027534 155.25416474 213.26007283 160.76074462 220.48535156 166.27514648 C226.03703947 170.51037585 231.60920513 174.71525875 237.203125 178.89453125 C242.50330902 182.88447425 247.75020604 186.94411079 253 191 C249.40926499 192.19691167 248.38814452 191.71471112 244.85888672 190.54394531 C243.80330063 190.19860748 242.74771454 189.85326965 241.66014099 189.49746704 C240.51159134 189.11158417 239.36304169 188.72570129 238.1796875 188.328125 C236.98493301 187.93442719 235.79017853 187.54072937 234.55921936 187.13510132 C231.32927894 186.06886175 228.10214686 184.99479901 224.87601852 183.91712189 C221.54656683 182.80711212 218.21366066 181.70757679 214.88110352 180.60693359 C200.22665466 175.76248387 185.58714802 170.87238821 170.95550537 165.95950317 C162.5799371 163.14802835 154.18573779 160.51736615 145.6875 158.10546875 C140.85251653 156.65599807 136.12712657 154.95061099 131.38208008 153.23364258 C126.3632729 151.4350385 121.3088846 149.85438373 116.1875 148.375 C115.47988525 148.16641357 114.77227051 147.95782715 114.04321289 147.74291992 C110.88717388 146.81575743 107.74260985 145.93681712 104.546875 145.15234375 C92.06970559 141.78225402 86.673365 130.28256085 79.9375 120 C78.35151592 117.59726405 76.76162482 115.19712051 75.171875 112.796875 C74.75713425 112.16980652 74.34239349 111.54273804 73.91508484 110.89666748 C68.89305079 103.31145505 63.79032114 95.7809909 58.6875 88.25 C57.70563242 86.80014061 56.72378027 85.35027078 55.74194336 83.90039062 C53.30073019 80.29609984 50.85849116 76.69250537 48.41595459 73.08911133 C45.73394805 69.13205629 43.0532111 65.17414121 40.37232971 61.21632385 C38.23336316 58.05860294 36.09415792 54.90104442 33.9543457 51.74389648 C29.19052718 44.71454827 24.43239563 37.68139684 19.6796875 30.64453125 C18.09419565 28.29782538 16.50864724 25.95115773 14.9230957 23.60449219 C13.89944737 22.0889567 12.87616637 20.57317303 11.85327148 19.05712891 C10.43172029 16.95024139 9.00894523 14.84418518 7.5859375 12.73828125 C6.95460403 11.80143242 6.95460403 11.80143242 6.31051636 10.84565735 C4.66669013 8.41493691 3.01587284 6.02039957 1.21337891 3.70385742 C0 2 0 2 0 0 Z " fill="#FCFCFC" transform="translate(1216,2972)"/>
<path d="M0 0 C0.4626123 0.93046143 0.92522461 1.86092285 1.40185547 2.81958008 C3.1703223 6.37504185 4.94171872 9.92903805 6.71386719 13.48266602 C7.47081351 15.0014925 8.2270339 16.52068107 8.98242188 18.0402832 C13.09734493 26.31688981 17.27068547 34.55310399 21.609375 42.71484375 C26.00024612 50.99116 30.21654469 59.35122928 34.3984375 67.734375 C34.88368456 68.70702081 34.88368456 68.70702081 35.37873459 69.69931602 C37.7136822 74.38145518 40.04469063 79.06555109 42.375 83.75 C44.72940947 88.48262065 47.08523873 93.21452487 49.44441605 97.94477081 C50.37439706 99.81112878 51.30193355 101.67868722 52.2293396 103.54632568 C55.66532758 110.45478413 55.66532758 110.45478413 59.41259766 117.19628906 C61 120 61 120 61 122 C60.05253906 122.45101074 60.05253906 122.45101074 59.0859375 122.91113281 C46.07032746 129.11417751 33.09760346 135.38718493 20.234375 141.90136719 C15.51682322 144.28161653 10.77971919 146.6110132 5.9921875 148.84765625 C5.10644043 149.26152588 4.22069336 149.67539551 3.30810547 150.10180664 C1 151 1 151 -2 151 C-2.25990723 150.3100293 -2.51981445 149.62005859 -2.78759766 148.90917969 C-10.16614529 129.34179589 -17.70193139 109.83828878 -25.30126953 90.35571289 C-34.02508967 67.98856542 -34.02508967 67.98856542 -37.625 58.4375 C-40.15953187 51.73505668 -42.75818745 45.0598003 -45.3984375 38.3984375 C-45.6945694 37.65056473 -45.99070129 36.90269196 -46.29580688 36.13215637 C-47.78710326 32.3673945 -49.28251448 28.60433871 -50.78369141 24.84350586 C-51.33507923 23.45431127 -51.88635397 22.06507179 -52.4375 20.67578125 C-52.69647064 20.03091766 -52.95544128 19.38605408 -53.22225952 18.72164917 C-55 14.22677015 -55 14.22677015 -55 12 C-40.98643022 8.56400197 -26.97176686 5.14334136 -12.875 2.0625 C-11.917146 1.85149658 -10.95929199 1.64049316 -9.97241211 1.4230957 C-9.09206299 1.23320068 -8.21171387 1.04330566 -7.3046875 0.84765625 C-6.54140137 0.68273682 -5.77811523 0.51781738 -4.99169922 0.34790039 C-3 0 -3 0 0 0 Z " fill="#FDFDFD" transform="translate(1683,2947)"/>
<path d="M0 0 C-11.60344817 6.6186147 -23.23636201 13.1696784 -35 19.5 C-43.72455482 24.19713299 -52.37525173 29.00742655 -60.98852539 33.90527344 C-68.93664049 38.41769936 -76.93046009 42.84336452 -84.9375 47.25 C-94.26346054 52.38375798 -103.57134475 57.54580391 -112.84033203 62.78173828 C-127.86666985 71.25804686 -142.94422778 79.64019822 -158.05493164 87.96484375 C-169.60491865 94.32838961 -181.13282107 100.73135834 -192.65722656 107.14111328 C-197.14476409 109.63659318 -201.63335918 112.13016701 -206.12207031 114.62353516 C-208.36893784 115.87168663 -210.61568321 117.12005804 -212.86230469 118.36865234 C-218.55967308 121.53486766 -224.25874127 124.69795539 -229.9609375 127.85546875 C-232.26574837 129.13258988 -234.5704371 130.40993146 -236.875 131.6875 C-238.5448999 132.61308716 -238.5448999 132.61308716 -240.24853516 133.55737305 C-248.36683881 138.06747529 -256.44067142 142.65125765 -264.46826172 147.32104492 C-268.23646954 149.49813792 -271.87490357 151.55538121 -276 153 C-274.59837957 149.85387907 -272.93203803 147.65010321 -270.55078125 145.171875 C-269.86693359 144.45386719 -269.18308594 143.73585938 -268.47851562 142.99609375 C-267.76373047 142.25488281 -267.04894531 141.51367188 -266.3125 140.75 C-261.63589342 135.86968582 -257.03528426 130.95892107 -252.61010742 125.84863281 C-250.28992093 123.18472802 -247.89733557 120.5947632 -245.5 118 C-242.47995128 114.7221859 -239.47795863 111.43416732 -236.5625 108.0625 C-232.93787911 103.87890143 -229.16614933 99.8356539 -225.40258789 95.77758789 C-222.72598962 92.88635872 -220.07688821 89.98110596 -217.5 87 C-214.41102693 83.42648214 -211.21157787 79.96288886 -208 76.5 C-204.21115843 72.41431269 -200.47828053 68.29606631 -196.83203125 64.08203125 C-194.00135739 60.86508207 -191.09232984 57.7202932 -188.19165039 54.56665039 C-182.92821499 48.84184212 -177.73592192 43.05395106 -172.546875 37.26171875 C-171.74765625 36.37097656 -170.9484375 35.48023438 -170.125 34.5625 C-169.40570312 33.75941406 -168.68640625 32.95632813 -167.9453125 32.12890625 C-167.30335937 31.42636719 -166.66140625 30.72382812 -166 30 C-165.55011719 29.47921875 -165.10023437 28.9584375 -164.63671875 28.421875 C-162.66084954 26.7053681 -161.44214143 26.46742419 -158.8671875 26.12109375 C-158.06023437 26.00443359 -157.25328125 25.88777344 -156.421875 25.76757812 C-155.58140625 25.65865234 -154.7409375 25.54972656 -153.875 25.4375 C-148.29553615 24.66746359 -142.81976121 23.78968546 -137.33105469 22.51977539 C-132.97526331 21.54852698 -128.57946779 20.78790733 -124.1875 20 C-122.8252832 19.7525 -122.8252832 19.7525 -121.43554688 19.5 C-116.69167218 18.64295559 -111.94393681 17.81953168 -107.1875 17.03515625 C-99.160818 15.70786365 -91.16035095 14.23456728 -83.15820312 12.76757812 C-77.46612228 11.73858918 -71.82872912 10.83114699 -66.07348633 10.26269531 C-63.11718049 9.88815333 -60.25752845 9.20069246 -57.35839844 8.52197266 C-52.98157021 7.55327092 -48.54996921 6.89625009 -44.125 6.1875 C-37.25572967 5.0746348 -30.4048631 3.90472974 -23.5703125 2.59375 C-22.34940918 2.36018799 -21.12850586 2.12662598 -19.87060547 1.88598633 C-17.49063136 1.4268423 -15.11198804 0.96073543 -12.73486328 0.48706055 C-11.65188965 0.27863525 -10.56891602 0.07020996 -9.453125 -0.14453125 C-8.49567383 -0.33378174 -7.53822266 -0.52303223 -6.55175781 -0.71801758 C-4.02855106 -0.99684496 -2.38810451 -0.7966205 0 0 Z " fill="#FCFCFC" transform="translate(1624,941)"/>
<path d="M0 0 C3.29175639 1.3898527 4.93120906 2.85727925 6.99609375 5.75390625 C7.5478125 6.51703125 8.09953125 7.28015625 8.66796875 8.06640625 C9.25191406 8.89011719 9.83585937 9.71382812 10.4375 10.5625 C11.69523421 12.30438295 12.95437769 14.04524911 14.21484375 15.78515625 C14.84890137 16.66316895 15.48295898 17.54118164 16.13623047 18.44580078 C18.86092728 22.17985606 21.67537289 25.84131916 24.5 29.5 C26.67034256 32.33053048 28.83580124 35.1647701 31 38 C31.63631348 38.83225098 32.27262695 39.66450195 32.92822266 40.52197266 C34.90023871 43.1109969 36.85788652 45.71032148 38.8125 48.3125 C39.73869141 49.52292969 39.73869141 49.52292969 40.68359375 50.7578125 C41.24820313 51.51449219 41.8128125 52.27117187 42.39453125 53.05078125 C43.15020386 54.05105347 43.15020386 54.05105347 43.92114258 55.0715332 C45 57 45 57 45 61 C43.48144531 62.51708984 43.48144531 62.51708984 41.328125 63.9609375 C40.52866455 64.50766113 39.7292041 65.05438477 38.90551758 65.61767578 C37.59103638 66.48755127 37.59103638 66.48755127 36.25 67.375 C34.40470912 68.62985725 32.5596638 69.88507567 30.71484375 71.140625 C29.76464355 71.78064453 28.81444336 72.42066406 27.83544922 73.08007812 C23.45841799 76.0438265 19.13663244 79.08483944 14.8125 82.125 C13.1459627 83.29185146 11.47929728 84.45851995 9.8125 85.625 C2.52768845 90.73019593 -4.73660412 95.86440443 -12 101 C-14.77046191 102.95885948 -17.54123684 104.91727421 -20.3125 106.875 C-20.99683105 107.358479 -21.68116211 107.84195801 -22.38623047 108.34008789 C-29.04260736 113.03829985 -35.71944702 117.70720477 -42.40161133 122.36865234 C-43.2036499 122.92891113 -44.00568848 123.48916992 -44.83203125 124.06640625 C-45.54077393 124.56084229 -46.2495166 125.05527832 -46.97973633 125.56469727 C-48.38621699 126.56393591 -49.76176465 127.60756128 -51.1105957 128.68334961 C-53 130 -53 130 -55.3984375 130 C-58.82305882 128.68362904 -61.05963842 126.53147306 -63.625 124 C-64.68778072 122.98713976 -65.75293109 121.97676074 -66.8203125 120.96875 C-67.35301758 120.46472656 -67.88572266 119.96070313 -68.43457031 119.44140625 C-70.70402494 117.35175246 -73.09165487 115.42667611 -75.5 113.5 C-80.09596361 109.80064779 -84.45080998 105.90771317 -88.77441406 101.89916992 C-92.43999509 98.50104773 -96.17485173 95.21660196 -100 92 C-98.39517992 87.74417967 -95.17836845 85.14113833 -91.875 82.1875 C-91.28533447 81.6519751 -90.69566895 81.1164502 -90.08813477 80.56469727 C-86.46019442 77.27919387 -82.79219833 74.04124549 -79.08984375 70.83984375 C-76.35629401 68.43329809 -73.67887646 65.96695051 -71 63.5 C-67.06717596 59.87907279 -63.09785918 56.31041014 -59.05859375 52.80859375 C-56.5104335 50.5698875 -54.00589407 48.28589788 -51.5 46 C-48.38092989 43.15475772 -45.25244609 40.3280042 -42.0625 37.5625 C-38.65311482 34.60116544 -35.32203624 31.55849695 -32 28.5 C-28.06847938 24.88036946 -24.10093927 21.3124807 -20.0625 17.8125 C-17.49113424 15.55281494 -14.965449 13.24562735 -12.4375 10.9375 C-8.35386482 7.21217822 -4.22303826 3.56612119 0 0 Z " fill="#FDFDFD" transform="translate(2184,1012)"/>
<path d="M0 0 C0.95261719 0.12826172 1.90523437 0.25652344 2.88671875 0.38867188 C3.87800781 0.53498047 4.86929687 0.68128906 5.890625 0.83203125 C7.30794922 1.02249023 7.30794922 1.02249023 8.75390625 1.21679688 C14.53466226 2.02117637 20.26503051 3.02544528 25.99609375 4.125 C33.53632495 5.56993331 41.09958502 6.70438225 48.703125 7.76953125 C73.57790394 11.32457873 98.3531196 15.53339614 123.140625 19.64453125 C124.14957825 19.81182739 125.15853149 19.97912354 126.19805908 20.15148926 C137.18049197 21.97309087 148.16155839 23.80274626 159.140625 25.64453125 C159.140625 25.97453125 159.140625 26.30453125 159.140625 26.64453125 C158.283479 26.79486816 157.42633301 26.94520508 156.54321289 27.10009766 C152.4296686 27.82221258 148.31633484 28.545514 144.203125 29.26953125 C143.44132935 29.40358368 142.67953369 29.53763611 141.89465332 29.67575073 C130.03623524 31.76401686 118.1891036 33.90885679 106.34603882 36.08224487 C95.06581087 38.14870114 83.76764884 40.08014833 72.44628906 41.90844727 C65.26720267 43.07828561 58.14345075 44.42611171 51.015625 45.87475586 C44.2636496 47.21604734 37.48371322 48.39558987 30.703125 49.58203125 C29.20987165 49.84476302 27.71662632 50.10754035 26.22338867 50.37036133 C16.58111882 52.0633088 6.93202381 53.71167927 -2.73413086 55.26342773 C-7.81329558 56.09004716 -12.85532023 57.03360808 -17.8984375 58.05859375 C-25.76658419 59.65084475 -33.66221981 61.04285279 -41.57290649 62.40563965 C-53.58667989 64.47622869 -65.59349063 66.5825115 -77.5859375 68.7734375 C-79.04194115 69.03938972 -79.04194115 69.03938972 -80.52735901 69.31071472 C-85.20994529 70.16713057 -89.89181916 71.02728391 -94.57299805 71.89135742 C-103.82058287 73.59133719 -113.07335175 75.17516864 -122.36618042 76.60791016 C-129.07509014 77.65231189 -135.69897508 78.98318362 -142.32617188 80.45703125 C-143.12990234 80.6271875 -143.93363281 80.79734375 -144.76171875 80.97265625 C-145.45773193 81.12637695 -146.15374512 81.28009766 -146.87084961 81.43847656 C-149.10463374 81.66994542 -150.72772635 81.3070344 -152.859375 80.64453125 C-152.05439575 80.23110474 -152.05439575 80.23110474 -151.2331543 79.80932617 C-140.51559031 74.28953608 -129.90607404 68.64754498 -119.51831055 62.52612305 C-110.52658485 57.23037654 -101.31689702 52.34698883 -92.10644531 47.44482422 C-81.09293224 41.57822936 -70.15616448 35.60705184 -59.31469727 29.42626953 C-51.4463218 24.94949446 -43.50067996 20.62603805 -35.53125 16.33227539 C-28.45183317 12.51610032 -21.40685158 8.64304832 -14.3894043 4.71411133 C-12.54924114 3.68520998 -10.70458186 2.6643597 -8.859375 1.64453125 C-8.22773437 1.26748047 -7.59609375 0.89042969 -6.9453125 0.50195312 C-4.34679824 -0.56616276 -2.77196708 -0.38593984 0 0 Z " fill="#FDFDFD" transform="translate(1863.859375,828.35546875)"/>
<path d="M0 0 C0.62522552 0.33348953 1.25045105 0.66697906 1.8946228 1.01057434 C3.93994802 2.10291283 5.98167133 3.2018069 8.0234375 4.30078125 C9.464619 5.0720347 10.90602863 5.84286201 12.34765625 6.61328125 C16.00974933 8.57170229 19.66897273 10.53541585 23.32727051 12.50091553 C26.41998821 14.16192749 29.51468882 15.81922077 32.609375 17.4765625 C36.01170578 19.29884017 39.41381075 21.12152814 42.81494141 22.94604492 C52.33892571 28.0536059 61.88166684 33.12532574 71.42837524 38.19024658 C80.99389198 43.26556787 90.54538018 48.36621067 100.0859375 53.48828125 C111.48387952 59.60631799 122.92246094 65.6429781 134.3984375 71.61328125 C134.3984375 71.94328125 134.3984375 72.27328125 134.3984375 72.61328125 C125.72448734 72.02641047 117.20715876 70.6927684 108.64273071 69.25946045 C104.54327477 68.57397367 100.44153567 67.90242558 96.33984375 67.23046875 C95.50609726 67.09367706 94.67235077 66.95688538 93.81333923 66.81594849 C85.62197249 65.47681768 77.41890926 64.22092589 69.2109375 62.98828125 C67.83805157 62.78158756 66.46516745 62.5748819 65.09228516 62.36816406 C61.19453529 61.78187234 57.29649747 61.19750762 53.3984375 60.61328125 C38.68705394 58.40770742 24.0192442 56.04529457 9.36767578 53.47094727 C-0.23129191 51.80404147 -9.85357158 50.3984887 -19.50341797 49.0625 C-27.66544451 47.92163339 -35.77019016 46.57304069 -43.88037109 45.11303711 C-51.43171855 43.77239459 -59.00558625 42.66896525 -66.6015625 41.61328125 C-76.06701809 40.29777819 -85.47428032 38.80637846 -94.87890625 37.11328125 C-102.43075257 35.77259286 -110.00509939 34.66909059 -117.6015625 33.61328125 C-127.23552114 32.27369849 -136.81655506 30.76465917 -146.39086914 29.05175781 C-155.7666268 27.38117736 -165.17677522 25.9759011 -174.6015625 24.61328125 C-174.6015625 23.95328125 -174.6015625 23.29328125 -174.6015625 22.61328125 C-154.77137454 18.6764689 -154.77137454 18.6764689 -146.1015625 17.61328125 C-139.21544812 16.76379334 -132.45619614 15.48008011 -125.65161133 14.14672852 C-119.02046527 12.85692298 -112.37854707 11.73127995 -105.69628906 10.74047852 C-98.71513335 9.68846833 -91.78854341 8.35278785 -84.85317993 7.03817749 C-78.51185742 5.84152478 -72.16452158 4.67676092 -65.81835938 3.50610352 C-64.16658298 3.20121803 -62.51489088 2.89587551 -60.86328125 2.59008789 C-52.34092041 1.01227679 -43.82019658 -0.55561176 -35.265625 -1.95092773 C-32.59603802 -2.38762245 -29.93109347 -2.84750911 -27.265625 -3.30859375 C-25.58607961 -3.58549877 -23.90639346 -3.86155143 -22.2265625 -4.13671875 C-20.95232422 -4.36294922 -20.95232422 -4.36294922 -19.65234375 -4.59375 C-18.82347656 -4.72652344 -17.99460937 -4.85929688 -17.140625 -4.99609375 C-16.41053223 -5.11952148 -15.68043945 -5.24294922 -14.92822266 -5.37011719 C-9.44402831 -5.4092489 -4.71524588 -2.52758407 0 0 Z " fill="#FCFCFC" transform="translate(2293.6015625,830.38671875)"/>
<path d="M0 0 C0.495 0.99 0.495 0.99 1 2 C0.29811691 4.08962802 -0.51755648 6.14111757 -1.375 8.171875 C-1.78165894 9.14352097 -1.78165894 9.14352097 -2.1965332 10.13479614 C-3.12336351 12.34317238 -4.06165796 14.54649274 -5 16.75 C-5.67374449 18.34757984 -6.34690399 19.94540649 -7.01953125 21.54345703 C-8.91938526 26.04939949 -10.83066829 30.55041257 -12.74511719 35.0501709 C-14.03186449 38.07490325 -15.31687951 41.10036692 -16.6015625 44.12597656 C-21.86924699 56.52882078 -27.1519953 68.92520689 -32.4417572 81.31864929 C-37.49698512 93.16265931 -42.54486735 105.00979297 -47.59103394 116.85766602 C-48.56682324 119.14870767 -49.54267301 121.43972358 -50.51858521 123.73071289 C-58.3632437 142.14638989 -66.19278145 160.5684185 -74 179 C-74.66 179 -75.32 179 -76 179 C-76.19110352 178.26064209 -76.38220703 177.52128418 -76.57910156 176.75952148 C-82.38562536 154.09531917 -82.38562536 154.09531917 -88.55078125 131.52734375 C-92.06837321 119.12974654 -95.36066302 106.70409614 -98.43798828 94.18969727 C-100.21735991 86.99953221 -102.11836789 79.86206467 -104.1875 72.75 C-106.00979204 66.47616046 -107.80252144 60.20068067 -109.4375 53.875 C-109.76621094 52.61429688 -110.09492187 51.35359375 -110.43359375 50.0546875 C-111 47 -111 47 -110 44 C-108.35115051 42.98762512 -108.35115051 42.98762512 -106.17504883 42.07739258 C-104.94557777 41.5536908 -104.94557777 41.5536908 -103.69126892 41.01940918 C-102.78897049 40.64819946 -101.88667206 40.27698975 -100.95703125 39.89453125 C-100.01795425 39.49810425 -99.07887726 39.10167725 -98.11134338 38.6932373 C-95.0159328 37.3893865 -91.9143306 36.10099418 -88.8125 34.8125 C-86.67030771 33.91337249 -84.52854639 33.01321749 -82.38720703 32.11206055 C-78.02863495 30.27977776 -73.66760338 28.4535579 -69.30419922 26.6328125 C-62.74153801 23.89405725 -56.18717745 21.13588744 -49.63487244 18.37246704 C-45.6520116 16.692793 -41.66831733 15.01523275 -37.68139648 13.34521484 C-31.14045816 10.60367122 -24.61066796 7.8472996 -18.125 4.9765625 C-17.13193848 4.53916748 -16.13887695 4.10177246 -15.11572266 3.65112305 C-13.36604564 2.87634624 -11.62043794 2.09226829 -9.88037109 1.29614258 C-3.71559197 -1.43154628 -3.71559197 -1.43154628 0 0 Z " fill="#FDFDFD" transform="translate(871,1808)"/>
<path d="M0 0 C9.23137675 1.29429511 18.44347788 2.67390017 27.6484375 4.14453125 C28.94431793 4.35072083 30.24019836 4.5569104 31.5753479 4.76934814 C35.84219455 5.44854946 40.10862306 6.13035538 44.375 6.8125 C45.10732849 6.92953655 45.83965698 7.0465731 46.59417725 7.16715622 C56.1347171 8.69189877 65.67464053 10.22046478 75.21419907 11.75133419 C80.541269 12.60606083 85.8686059 13.45910298 91.19611931 14.31106091 C100.43572476 15.78863809 109.67460891 17.27059545 118.91232109 18.75996685 C123.39672795 19.48290832 127.88141798 20.20396481 132.36688232 20.9203186 C136.60156175 21.59675678 140.8353048 22.27877783 145.06840134 22.96504974 C146.63071938 23.21736218 148.19335984 23.46768729 149.75633621 23.71588898 C151.89966697 24.05658661 154.04171278 24.40447084 156.18359375 24.75415039 C157.38556396 24.94747452 158.58753418 25.14079865 159.82592773 25.33998108 C164.88434066 26.39183118 168.07121113 27.58372624 171.33984375 31.62109375 C174.92977576 35.92455262 178.70704627 39.99678355 182.5625 44.0625 C183.97551027 45.55835778 185.38826585 47.05445617 186.80078125 48.55078125 C187.50412598 49.29537598 188.2074707 50.0399707 188.93212891 50.80712891 C196.83161695 59.18413027 204.66398391 67.62385067 212.46630859 76.09130859 C218.61255684 82.75701526 224.80849065 89.37636786 231 96 C238.17021437 103.67064373 245.3350781 111.34538706 252.44604492 119.07104492 C255.1790733 122.03740839 257.92453571 124.99140922 260.68359375 127.93359375 C261.30814453 128.60003906 261.93269531 129.26648437 262.57617188 129.953125 C263.78046262 131.23702783 264.98610329 132.51966634 266.19335938 133.80078125 C269.59963555 137.43308506 272.84973479 141.14313325 276 145 C275.34 145.33 274.68 145.66 274 146 C271.82714844 145.1105957 271.82714844 145.1105957 269.109375 143.67578125 C268.10165039 143.14807129 267.09392578 142.62036133 266.05566406 142.07666016 C264.96479492 141.4944873 263.87392578 140.91231445 262.75 140.3125 C261.62045898 139.71743652 260.49091797 139.12237305 259.32714844 138.50927734 C251.37355123 134.30504198 243.47575387 130.00166315 235.59472656 125.66333008 C227.34314033 121.14057115 218.98539878 116.83266343 210.61682129 112.5322876 C201.80207781 107.99998158 193.06607344 103.34586114 184.38671875 98.55859375 C176.8250325 94.40686265 169.17198316 90.44235362 161.5 86.5 C152.05605808 81.6471011 142.68469436 76.68707357 133.38671875 71.55859375 C125.8250325 67.40686265 118.17198316 63.44235362 110.5 59.5 C101.05605808 54.6471011 91.68469436 49.68707357 82.38671875 44.55859375 C74.82502941 40.40686095 67.1719472 36.44242824 59.5 32.5 C49.93325567 27.58357072 40.43549013 22.56342614 31.01318359 17.37402344 C20.76647992 11.7430385 10.38539819 6.36967388 0 1 C0 0.67 0 0.34 0 0 Z " fill="#FCFCFC" transform="translate(2517,933)"/>
<path d="M0 0 C14.85 0 29.7 0 45 0 C45 15.75179419 45 15.75179419 44.57275391 22.01733398 C44.52719864 22.70419785 44.48164337 23.39106171 44.43470764 24.09873962 C44.28655155 26.31486058 44.13173761 28.53045421 43.9765625 30.74609375 C43.86890227 32.33005944 43.76160041 33.91404953 43.65463257 35.49806213 C43.43054544 38.80189372 43.20335044 42.10549076 42.97363281 45.40893555 C42.68434216 49.57017704 42.4010296 53.73179693 42.11981201 57.89359093 C41.14758044 72.2643221 40.16946643 86.62870967 38.8515625 100.97265625 C38.11930393 109.00337627 37.67840393 116.92939446 37.75 125 C37.76015137 126.75425293 37.76015137 126.75425293 37.77050781 128.54394531 C38.19725961 165.09573291 44.76421326 203.04452504 61.21484375 235.99609375 C61.47394531 236.65738281 61.73304688 237.31867187 62 238 C61.67 238.66 61.34 239.32 61 240 C33.7567416 214.6721681 15.2611751 181.5562372 3.76123047 146.33105469 C3.05425415 144.16613812 2.32799111 142.00868287 1.59765625 139.8515625 C-13.37041669 94.86375429 -12.37610411 45.37904839 0 0 Z " fill="#FDFDFD" transform="translate(745,2999)"/>
<path d="M0 0 C1.01835938 0.36351563 2.03671875 0.72703125 3.0859375 1.1015625 C10.89103407 3.87811589 18.70992134 6.61043609 26.5625 9.25 C27.28679199 9.49572754 28.01108398 9.74145508 28.75732422 9.99462891 C33.46142506 11.56554958 38.17542536 12.84948276 43 14 C40.66058471 21.49245168 37.66734294 28.57330022 34.5 35.75 C33.33243949 38.4151455 32.16944348 41.08226527 31.0078125 43.75 C30.69518463 44.46774597 30.38255676 45.18549194 30.06045532 45.92498779 C24.90572351 57.78870959 19.91045121 69.72110117 14.89526367 81.64428711 C14.0877794 83.563661 13.28024439 85.48301356 12.47265625 87.40234375 C12.08214584 88.33062485 11.69163544 89.25890594 11.28929138 90.21531677 C9.09352205 95.42774116 6.87353794 100.62822328 4.62109375 105.81640625 C-11.16533438 142.2248641 -20.24685019 179.10234496 -20.13037109 218.88891602 C-20.1249946 221.0646864 -20.13036758 223.24025127 -20.13671875 225.41601562 C-20.14048694 234.32440128 -19.77157853 243.11981656 -19 252 C-44.65257051 220.48648807 -47.0974965 156.48096975 -43.4296875 118.28125 C-42.78190521 112.49409703 -41.94955586 106.74481294 -41 101 C-40.83177734 99.95730957 -40.83177734 99.95730957 -40.66015625 98.89355469 C-39.93822767 94.55529867 -39.00771396 90.27873731 -38 86 C-37.81630859 85.18837402 -37.63261719 84.37674805 -37.44335938 83.54052734 C-31.29996331 56.72899164 -20.12371222 20.12371222 0 0 Z " fill="#FDFDFD" transform="translate(522,2515)"/>
<path d="M0 0 C5.36270508 13.1880421 10.49684837 26.45887566 15.56030273 39.76391602 C18.86990583 48.45507259 22.21053342 57.13342959 25.58203125 65.80078125 C26.36404022 67.81379177 27.14602271 69.82681258 27.92797852 71.83984375 C29.0834754 74.81408697 30.24033423 77.7877622 31.40158081 80.75976562 C32.48484633 83.53247421 33.56316898 86.30706099 34.640625 89.08203125 C34.96605789 89.91076248 35.29149078 90.73949371 35.62678528 91.59333801 C37.09062833 95.37568704 38.39756663 98.96501491 39 103 C36.27153565 103.74534007 33.69195749 104.18316626 30.87254333 104.38600159 C30.05835434 104.44627533 29.24416534 104.50654907 28.40530396 104.56864929 C27.07823929 104.66143913 27.07823929 104.66143913 25.72436523 104.75610352 C24.31621803 104.85873505 24.31621803 104.85873505 22.87962341 104.96343994 C19.77286138 105.18886174 16.66575494 105.4090597 13.55859375 105.62890625 C11.39346421 105.78422113 9.22834904 105.93973653 7.06324768 106.09544373 C2.51978609 106.42135308 -2.02385208 106.74465095 -6.56762695 107.06616211 C-12.36911479 107.47689946 -18.17009913 107.89431221 -23.97096348 108.31375217 C-28.44653036 108.63656649 -32.92235713 108.9556549 -37.39826775 109.27366447 C-39.53560664 109.42598876 -41.67286271 109.57948023 -43.81002998 109.7341938 C-46.81263237 109.95101957 -49.81555315 110.16277268 -52.81860352 110.37329102 C-53.68914368 110.43717514 -54.55968384 110.50105927 -55.456604 110.56687927 C-61.64468402 110.9932105 -67.79836848 111.06670812 -74 111 C-73.52245711 96.0150333 -72.57032386 81.07731963 -71.5 66.125 C-71.40143204 64.7369516 -71.40143204 64.7369516 -71.3008728 63.32086182 C-71.10923947 60.63299834 -70.91463884 57.94536891 -70.71875 55.2578125 C-70.66145218 54.45843262 -70.60415436 53.65905273 -70.54512024 52.83544922 C-70.43228378 51.31199196 -70.31294623 49.78899923 -70.18643188 48.26661682 C-70.05630121 46.68450347 -69.94408303 45.10085938 -69.84555054 43.51646423 C-69.78292023 42.71447098 -69.72028992 41.91247772 -69.65576172 41.08618164 C-69.5821492 40.00440392 -69.5821492 40.00440392 -69.50704956 38.90077209 C-68.85408595 36.45301333 -67.86522283 35.74959229 -65.7890625 34.36328125 C-64.41809507 33.64609887 -63.02880085 32.96307315 -61.625 32.3125 C-60.95855469 31.97412109 -60.29210937 31.63574219 -59.60546875 31.28710938 C-58.19004555 30.56869514 -56.76834429 29.86255505 -55.34155273 29.16699219 C-51.82247727 27.41314163 -48.39108018 25.5058795 -44.9453125 23.61303711 C-41.88269379 21.93575579 -38.80851568 20.28159761 -35.73046875 18.6328125 C-19.91411465 10.16521667 -19.91411465 10.16521667 -4.34375 1.2578125 C-2 0 -2 0 0 0 Z " fill="#FDFDFD" transform="translate(984,1312)"/>
<path d="M0 0 C2.99412204 1.32464335 4.85133201 3.58907054 7.09423828 5.94091797 C10.11836268 9.09614602 13.12828735 12.09780947 16.45361328 14.93310547 C22.78358862 20.40099274 28.55371177 26.46977352 34.42626953 32.41845703 C41.42378531 39.55848436 41.42378531 39.55848436 48.81298828 46.28466797 C55.24799859 51.77569949 61.05830058 57.97686448 66.99902344 63.99121094 C72.55875524 69.61361549 78.10014681 75.18919563 84.12353516 80.32226562 C86.82804484 82.66990896 89.33618551 85.1994431 91.84423828 87.75341797 C92.33279297 88.24648437 92.82134766 88.73955078 93.32470703 89.24755859 C94.50027353 90.43465025 95.67262654 91.62492295 96.84423828 92.81591797 C95.3373886 96.3483082 93.29057216 98.61213457 90.578125 101.30908203 C89.69736298 102.18969299 88.81660095 103.07030396 87.90914917 103.9776001 C86.94751477 104.92902228 85.98577108 105.880334 85.02392578 106.83154297 C84.03985721 107.81187926 83.05623086 108.79265965 82.07302856 109.77386475 C79.48981114 112.34946264 76.90064316 114.91899654 74.31018066 117.48730469 C71.66556208 120.11142864 69.02662818 122.74125568 66.38720703 125.37060547 C61.21175756 130.52463467 56.03000706 135.67226954 50.84423828 140.81591797 C47.34468438 138.07863957 44.53623429 135.43313064 41.78173828 131.94091797 C38.21596984 127.49112375 34.57156854 123.13115335 30.84423828 118.81591797 C26.54389101 113.82705658 22.33936695 108.77368516 18.18798828 103.65966797 C15.45121779 100.33905311 12.65320878 97.07545015 9.84423828 93.81591797 C6.28970667 89.69123592 2.77631686 85.54384085 -0.65576172 81.31591797 C-5.04289074 75.91515625 -9.56799584 70.64124097 -14.10498047 65.36669922 C-20.43728622 58.00416132 -26.72051597 50.60402447 -32.84326172 43.06591797 C-36.81050324 38.18921855 -40.93481603 33.47390981 -45.15576172 28.81591797 C-43.70691862 24.46938867 -40.37393651 23.26842487 -36.59326172 21.06591797 C-34.96314715 20.09920259 -33.33431101 19.13032926 -31.70654297 18.15966797 C-30.8217627 17.63244141 -29.93698242 17.10521484 -29.02539062 16.56201172 C-25.90488864 14.66326829 -22.83172916 12.7006984 -19.76123047 10.72216797 C-18.68623291 10.03348633 -17.61123535 9.34480469 -16.50366211 8.63525391 C-14.37328311 7.26739599 -12.24863043 5.89057379 -10.13012695 4.50439453 C-9.15116455 3.88016602 -8.17220215 3.2559375 -7.16357422 2.61279297 C-6.29361816 2.04915039 -5.42366211 1.48550781 -4.52734375 0.90478516 C-2.15576172 -0.18408203 -2.15576172 -0.18408203 0 0 Z " fill="#FDFDFD" transform="translate(1984.15576171875,3030.18408203125)"/>
<path d="M0 0 C3.70016395 1.23338798 4.54703034 2.63820444 6.9375 5.6875 C10.54078891 10.2047939 14.22111886 14.6286824 18 19 C22.32019064 24.01239838 26.55099728 29.08540533 30.72265625 34.22265625 C33.28203972 37.34396267 35.88589916 40.42453424 38.5 43.5 C41.85447127 47.44650481 45.17221829 51.41642072 48.4375 55.4375 C51.9287014 59.73098826 55.50907309 63.93692921 59.125 68.125 C63.58512073 73.29294238 67.89793488 78.5402091 72 84 C69.3403659 85.7730894 66.96140666 86.96945415 64.04296875 88.23046875 C62.44291992 88.92354126 62.44291992 88.92354126 60.81054688 89.63061523 C59.61494141 90.14438721 58.41933594 90.65815918 57.1875 91.1875 C55.90815791 91.73955995 54.62886283 92.29172883 53.34960938 92.84399414 C36.89564261 99.93644733 20.40246018 106.9382689 3.91479492 113.9519043 C2.78047531 114.43452225 1.6461557 114.9171402 0.47746277 115.41438293 C-1.72963666 116.35283743 -3.93713597 117.29035212 -6.14506531 118.22685242 C-10.63921421 120.13453644 -15.12958828 122.0469363 -19.59375 124.02392578 C-20.24875488 124.3122377 -20.90375977 124.60054962 -21.57861328 124.89759827 C-23.20869788 125.61791876 -24.83504077 126.34669195 -26.4609375 127.07641602 C-29 128 -29 128 -33 128 C-37.54860009 111.06158366 -42.03535791 94.10963524 -46.38476562 77.11889648 C-46.69865234 75.89501221 -47.01253906 74.67112793 -47.3359375 73.41015625 C-47.62436523 72.27852051 -47.91279297 71.14688477 -48.20996094 69.98095703 C-48.8403951 67.60221752 -49.53502869 65.27437151 -50.2890625 62.93359375 C-51.098252 59.59457552 -51.3113614 58.1798049 -50 55 C-47.97005672 52.38381648 -45.69549144 50.04585287 -43.375 47.6875 C-42.08380325 46.34194389 -40.79342806 44.99559889 -39.50390625 43.6484375 C-38.88918457 43.01131836 -38.27446289 42.37419922 -37.64111328 41.71777344 C-35.80625274 39.79720236 -34.04280073 37.82764139 -32.3125 35.8125 C-29.44315317 32.47824634 -26.47997676 29.23516125 -23.5 26 C-19.90918866 22.10045727 -16.37376747 18.16239179 -12.90234375 14.15625 C-8.67847937 9.36862548 -4.32676456 4.69450042 0 0 Z " fill="#FDFDFD" transform="translate(789,1712)"/>
<path d="M0 0 C0 3.60353747 -0.80405889 4.49774427 -2.8125 7.4375 C-17.20375502 29.64694186 -27.8827471 53.8107614 -34.36474609 79.48925781 C-35.00715954 82.02829697 -35.68421093 84.55648527 -36.36328125 87.0859375 C-42.3804011 110.10777089 -43.4899075 133.68765951 -44.98641968 157.33110046 C-45.93146285 172.24930373 -47.01273834 187.15591217 -48.125 202.0625 C-48.21135712 203.22534515 -48.29771423 204.38819031 -48.38668823 205.58627319 C-48.63456371 208.9234636 -48.88341086 212.26057957 -49.1328125 215.59765625 C-49.20561935 216.57407074 -49.27842621 217.55048523 -49.35343933 218.55648804 C-49.86616325 225.3741144 -50.42335261 232.18749385 -51 239 C-52.11538147 238.80250153 -52.11538147 238.80250153 -53.2532959 238.60101318 C-62.21554068 237.02859244 -71.2173949 235.94147197 -80.25 234.875 C-81.7851866 234.69166023 -83.32034309 234.50806809 -84.85546875 234.32421875 C-88.5699707 233.87990989 -92.28486543 233.43899165 -96 233 C-99.26131032 208.61619581 -99.01298495 184.27855895 -95 160 C-94.83177734 158.95730957 -94.83177734 158.95730957 -94.66015625 157.89355469 C-93.93822767 153.55529867 -93.00771396 149.27873731 -92 145 C-91.81630859 144.18837402 -91.63261719 143.37674805 -91.44335938 142.54052734 C-86.5001086 120.96676862 -78.54983937 100.45379587 -68 81 C-67.37738281 79.83855469 -66.75476563 78.67710937 -66.11328125 77.48046875 C-49.89709819 48.17292492 -26.65720365 20.33176549 0 0 Z " fill="#FDFDFD" transform="translate(980,770)"/>
<path d="M0 0 C0.78234449 2.80707163 1.16188226 5.39583894 1.28125 8.30493164 C1.31801849 9.15393539 1.35478699 10.00293915 1.39266968 10.87767029 C1.42808868 11.79589066 1.46350769 12.71411102 1.5 13.66015625 C1.56050034 15.10800255 1.56050034 15.10800255 1.6222229 16.58509827 C1.75270702 19.74406546 1.87670995 22.90324441 2 26.0625 C2.0876639 28.2465846 2.1753922 30.43066662 2.26318359 32.61474609 C3.27419174 58.0686955 4.25006167 83.5214939 4 109 C-2.50495432 108.44652541 -8.33123725 107.21609535 -14.5625 105.3125 C-22.33311962 103.01195096 -30.12754735 100.92285275 -38 99 C-46.40887214 96.93894263 -54.73309407 94.68637555 -63.04223633 92.2565918 C-70.86231638 89.99098889 -78.74501645 88.01235292 -86.65625 86.09179688 C-92.83573847 84.58285202 -98.92318361 82.87902363 -105 81 C-103.05318292 74.86882452 -100.81417963 68.94525835 -98.26953125 63.0390625 C-97.73835945 61.79399429 -97.73835945 61.79399429 -97.19645691 60.52377319 C-96.07179364 57.88941374 -94.94232987 55.25714713 -93.8125 52.625 C-92.70642701 50.03938115 -91.60136857 47.45334745 -90.49899292 44.8661499 C-89.76319599 43.14928362 -89.01996711 41.43558329 -88.26931763 39.72515869 C-86.37801299 35.38933416 -84.65059576 31.07112125 -83.15771484 26.58105469 C-78.83947043 14.04642789 -78.83947043 14.04642789 -73.90014648 11.23657227 C-70.21494238 10.42076372 -66.76860707 10.15272828 -63 10 C-60.58623002 9.61422725 -58.17703316 9.19869166 -55.7734375 8.75390625 C-53.30768169 8.35435639 -50.84152513 7.95727282 -48.375 7.5625 C-37.83970212 5.84495888 -27.35765322 3.97011062 -16.90625 1.796875 C-11.13731331 0.62001191 -5.9001819 -0.11800364 0 0 Z " fill="#FDFDFD" transform="translate(1296,998)"/>
<path d="M0 0 C2.36068776 6.6632816 4.15909118 13.3809601 5.8125 20.25 C7.72282184 28.04928392 9.74464771 35.79341009 12 43.5 C14.21549896 51.08541532 16.22783681 58.70375778 18.125 66.375 C18.37910645 67.40125488 18.63321289 68.42750977 18.89501953 69.48486328 C19.38148605 71.45207399 19.86766485 73.41935588 20.35351562 75.38671875 C33.69612097 129.32147992 54.33522879 175.98040825 91 218 C88 219 88 219 84.65625 217.62109375 C83.26256335 216.90919228 81.87767525 216.17991302 80.5 215.4375 C79.38516235 214.84098633 79.38516235 214.84098633 78.24780273 214.23242188 C64.99284969 206.89232089 52.99170912 197.38105861 42 187 C40.73338134 185.91174193 39.46259154 184.82831815 38.1875 183.75 C28.55364291 175.32525048 19.85648057 166.09713749 12 156 C11.22398438 155.0409375 10.44796875 154.081875 9.6484375 153.09375 C-16.95675754 119.6472191 -33.5119324 79.66246767 -40.4375 37.625 C-40.60161377 36.6337915 -40.76572754 35.64258301 -40.93481445 34.62133789 C-41.97567772 27.71506157 -42.17294175 20.97762317 -42 14 C-34.57868861 11.23887694 -27.10184754 8.69666602 -19.58032227 6.22558594 C-14.57895488 4.56781447 -9.68429595 2.76249877 -4.84765625 0.6640625 C-3 0 -3 0 0 0 Z " fill="#FDFDFD" transform="translate(1157,3370)"/>
<path d="M0 0 C3.12931612 2.27586627 5.70240592 4.71632937 8.203125 7.64453125 C11.91854 11.93675311 15.78049923 16.06998241 19.6875 20.1875 C24.52742457 25.30851722 29.35471945 30.43899457 34.125 35.625 C38.39689312 40.2686778 42.69102732 44.89070142 47 49.5 C51.83894633 54.6769464 56.65787082 59.87148252 61.45874023 65.08374023 C65.30880049 69.26010919 69.18288738 73.41358672 73.0625 77.5625 C78.12022296 82.97206455 83.13866789 88.41444644 88.1328125 93.8828125 C90.27944289 96.22500779 92.44466305 98.54899352 94.6171875 100.8671875 C95.24044922 101.53234375 95.86371094 102.1975 96.50585938 102.8828125 C97.71661294 104.17327085 98.92876493 105.46241915 100.14257812 106.75 C100.70138672 107.34554688 101.26019531 107.94109375 101.8359375 108.5546875 C102.32626465 109.07530762 102.8165918 109.59592773 103.32177734 110.13232422 C103.87559082 110.74865723 104.4294043 111.36499023 105 112 C105.83515137 112.88278625 106.67030273 113.76557251 107.53076172 114.67510986 C110.2789078 117.99963875 110.8000731 120.73759109 111.18603516 125.06591797 C111.25390543 125.75462919 111.3217757 126.44334042 111.39170265 127.15292168 C111.53678877 128.64939376 111.67214119 130.14683499 111.79877472 131.64498138 C112.00329577 134.03857166 112.23813759 136.42747097 112.48114014 138.81744385 C113.02299735 144.19087996 113.52415125 149.56777952 114.0234375 154.9453125 C114.21260611 156.96460561 114.40195161 158.98388217 114.59146118 161.00314331 C114.98798484 165.23388551 115.3828299 169.46477977 115.77636719 173.69580078 C116.26661706 178.96591208 116.76030139 184.23569402 117.25515366 189.50537491 C119.22973173 210.5419012 121.16767827 231.58173753 123.02025223 252.62939072 C123.19764412 254.64232693 123.37598663 256.65517963 123.55533981 258.66794205 C123.80254297 261.44747285 124.04567719 264.22732929 124.28759766 267.00732422 C124.3603957 267.81891872 124.43319374 268.63051323 124.50819778 269.46670151 C124.89704596 273.99801463 125.0689266 278.45193101 125 283 C121.98297625 279.43458375 120.26391587 275.40160755 118.4375 271.15234375 C118.09416626 270.36553726 117.75083252 269.57873077 117.39709473 268.76808167 C116.65199497 267.05895456 115.90928983 265.34878197 115.16870117 263.63769531 C113.569648 259.94320437 111.95924016 256.25369634 110.34973145 252.56375122 C109.5056077 250.62804643 108.66211164 248.69206781 107.81921387 246.75582886 C103.80829483 237.5446177 99.74945112 228.35492967 95.68164062 219.16873169 C88.71956934 203.44491527 81.79145 187.70643395 74.88525391 171.95800781 C69.11242628 158.79545554 63.31366938 145.64456069 57.5 132.5 C51.21071567 118.27890836 44.93705879 104.05109762 38.6875 89.8125 C38.31224182 88.95757965 37.93698364 88.1026593 37.550354 87.22183228 C33.80140786 78.67954578 30.05692975 70.13533164 26.32421875 61.5859375 C25.45646086 59.59892369 24.58869253 57.61191444 23.72091675 55.62490845 C23.16173623 54.34421378 22.60275247 53.06343319 22.04397583 51.78256226 C18.59085995 43.868954 15.10204122 35.97219851 11.578125 28.08984375 C11.20636139 27.25738632 10.83459778 26.42492889 10.4515686 25.56724548 C8.63116558 21.4914818 6.80700341 17.41748167 4.97607422 13.34643555 C4.31983954 11.87946048 3.66374492 10.41242274 3.0078125 8.9453125 C2.70232483 8.269879 2.39683716 7.5944455 2.08209229 6.89854431 C0 2.22699329 0 2.22699329 0 0 Z " fill="#FCFCFC" transform="translate(3139,1451)"/>
<path d="M0 0 C0.99 0.495 0.99 0.495 2 1 C0.98292969 1.81791016 0.98292969 1.81791016 -0.0546875 2.65234375 C-5.6838823 7.21339494 -11.17139092 11.86128933 -16.5234375 16.74609375 C-18.20252205 18.2742196 -19.89580823 19.78685858 -21.6015625 21.28515625 C-26.8441054 25.90207847 -31.52129298 30.64966056 -36 36 C-37.19689453 37.34771484 -37.19689453 37.34771484 -38.41796875 38.72265625 C-50.30684161 52.20181625 -60.16116004 67.38020317 -69 83 C-69.38236816 83.65838867 -69.76473633 84.31677734 -70.15869141 84.99511719 C-79.88073642 101.86978146 -86.86719515 120.03816485 -94.27189636 138.00346375 C-99.00858215 149.47772943 -103.87940444 160.89459659 -108.75 172.3125 C-109.59179414 174.28821519 -110.43351161 176.26396305 -111.27514648 178.23974609 C-115.5044615 188.16510774 -119.74433744 198.08590578 -124 208 C-128.64890593 207.20785415 -132.11315116 205.3914099 -136.125 203 C-145.15064632 197.7567839 -154.52253384 193.35757411 -164 189 C-164.32162633 183.0338315 -163.19170486 178.07943732 -161.5 172.375 C-161.23155273 171.45912109 -160.96310547 170.54324219 -160.68652344 169.59960938 C-149.59886544 132.69120516 -131.28815707 99.25847259 -105 71 C-103.80778787 69.6290837 -102.62008001 68.25423376 -101.4375 66.875 C-76.52055683 38.34108121 -42.26329604 17.51356452 -7.625 2.9375 C-6.89265137 2.62586914 -6.16030273 2.31423828 -5.40576172 1.99316406 C-3.62838799 1.26565335 -1.81615264 0.62443477 0 0 Z " fill="#FCFCFC" transform="translate(1468,484)"/>
<path d="M0 0 C3.82366195 1.4110047 7.15612443 3.18848613 10.62890625 5.31640625 C11.73137695 5.98913574 12.83384766 6.66186523 13.96972656 7.35498047 C14.55371216 7.7138031 15.13769775 8.07262573 15.73937988 8.44232178 C17.60117688 9.58626421 19.46574691 10.72556186 21.33105469 11.86376953 C23.93744906 13.4547708 26.54271199 15.0475984 29.14697266 16.64208984 C35.00830447 20.23015534 40.8779148 23.80455946 46.75 27.375 C48.43706055 28.40210083 48.43706055 28.40210083 50.15820312 29.44995117 C56.66917817 33.40728166 63.20700893 37.31622445 69.76953125 41.1875 C70.50398468 41.62123932 71.23843811 42.05497864 71.99514771 42.50186157 C75.58723135 44.62254303 79.18218685 46.73806759 82.78222656 48.84521484 C84.08538031 49.61279642 85.38844479 50.38052957 86.69140625 51.1484375 C87.28693802 51.49455078 87.88246979 51.84066406 88.49604797 52.19726562 C91.33851035 53.87834845 93.81204626 55.50817722 96 58 C83.33648711 69.75621853 83.33648711 69.75621853 77.08203125 75.16796875 C73.86508207 77.99864261 70.7202932 80.90767016 67.56665039 83.80834961 C62.74396118 88.24236939 57.87650331 92.62525909 53 97 C51.33307353 98.49971128 49.66640851 99.99971321 48 101.5 C45.52497766 103.72829114 43.04928246 105.9557884 40.5703125 108.1796875 C37.00310965 111.38219229 33.44089262 114.58897983 29.9140625 117.8359375 C29.12491455 118.56224365 29.12491455 118.56224365 28.31982422 119.30322266 C26.83170737 120.67469707 25.34548556 122.04822686 23.859375 123.421875 C22.44398438 124.69804687 22.44398438 124.69804687 21 126 C20.47599609 126.48662109 19.95199219 126.97324219 19.41210938 127.47460938 C17.828125 128.890625 17.828125 128.890625 15 131 C11.09965197 129.69988399 10.50466702 128.11692274 8.30859375 124.68359375 C7.60331543 123.5941748 6.89803711 122.50475586 6.17138672 121.38232422 C5.81034851 120.81858093 5.4493103 120.25483765 5.07733154 119.67401123 C3.42600744 117.10810187 1.72936605 114.57288599 0.03515625 112.03515625 C-0.61517578 111.05708008 -1.26550781 110.07900391 -1.93554688 109.07128906 C-9.39179973 97.85911762 -9.39179973 97.85911762 -17 86.75 C-17.66515625 85.780625 -18.3303125 84.81125 -19.015625 83.8125 C-20.4364878 81.79867871 -21.91212167 79.82306882 -23.421875 77.875 C-24.19015625 76.84375 -24.9584375 75.8125 -25.75 74.75 C-26.79414062 73.41195312 -26.79414062 73.41195312 -27.859375 72.046875 C-29.12889104 68.65570201 -28.99520253 68.18533935 -27.83618164 64.94897461 C-27.55024139 64.15053131 -27.26430115 63.35208801 -26.96969604 62.52944946 C-25.32393427 58.2364844 -23.56540746 53.9982896 -21.76171875 49.76953125 C-21.1568438 48.34020515 -21.1568438 48.34020515 -20.53974915 46.88200378 C-19.25886695 43.85746717 -17.97324212 40.83497335 -16.6875 37.8125 C-15.83628062 35.80416694 -14.98536665 33.79570441 -14.13476562 31.78710938 C-12.1216856 27.03596699 -10.10253106 22.28744129 -8.08050537 17.5401001 C-7.08136131 15.19126779 -6.08614726 12.84081704 -5.09228516 10.48974609 C-4.54728454 9.20536799 -4.00220689 7.92102257 -3.45703125 6.63671875 C-2.99917236 5.55479248 -2.54131348 4.47286621 -2.06958008 3.3581543 C-1 1 -1 1 0 0 Z " fill="#FDFDFD" transform="translate(736,2152)"/>
<path d="M0 0 C2.39126541 1.26012741 4.01269229 2.78214207 5.9453125 4.6796875 C11.70583835 10.05098863 17.98721245 14.60240669 24.36938477 19.20581055 C25.56519165 20.0707312 25.56519165 20.0707312 26.78515625 20.953125 C27.86011353 21.72342041 27.86011353 21.72342041 28.95678711 22.50927734 C30.75616087 23.89467425 32.32109893 25.34740732 33.8828125 26.9921875 C33.02558594 27.91 32.16835938 28.8278125 31.28515625 29.7734375 C23.37553098 38.25543462 23.37553098 38.25543462 15.6875 46.9375 C13.29499403 49.66143537 10.83871831 52.32558736 8.3828125 54.9921875 C4.73859089 58.9507355 1.14367346 62.94395725 -2.3828125 67.0078125 C-5.91219464 71.04593441 -9.52352976 75.01133431 -13.1171875 78.9921875 C-14.61747429 80.65859601 -16.11747622 82.32526103 -17.6171875 83.9921875 C-20.6171875 87.32552083 -23.6171875 90.65885417 -26.6171875 93.9921875 C-27.36226563 94.82234375 -28.10734375 95.6525 -28.875 96.5078125 C-30.33973923 98.13076398 -31.81336252 99.74575329 -33.296875 101.3515625 C-39.16177519 107.73825096 -44.53556218 114.43144556 -49.81347656 121.30322266 C-50.98249876 122.81769748 -52.1697912 124.31802804 -53.359375 125.81640625 C-77.27866725 156.52597377 -91.85942866 192.48749938 -101.1171875 229.9921875 C-101.4471875 229.9921875 -101.7771875 229.9921875 -102.1171875 229.9921875 C-103.01487941 225.351929 -103.30503107 220.82647255 -103.35546875 216.11328125 C-103.3652626 215.35702454 -103.37505646 214.60076782 -103.38514709 213.82159424 C-103.81489892 171.84551122 -96.58332812 130.96814087 -78.1171875 92.9921875 C-77.68277344 92.09741699 -77.24835938 91.20264648 -76.80078125 90.28076172 C-66.24545563 68.79155946 -53.35642706 49.97912152 -37.21875 32.31640625 C-35.38333913 30.28653735 -33.62337306 28.2150939 -31.8671875 26.1171875 C-24.76885757 18.00481044 -16.47408058 10.88201498 -8.0546875 4.1796875 C-7.5189209 3.74092285 -6.9831543 3.3021582 -6.43115234 2.85009766 C-2.73765686 -0.01010205 -2.73765686 -0.01010205 0 0 Z " fill="#FCFCFC" transform="translate(469.1171875,1985.0078125)"/>
<path d="M0 0 C0.16081055 0.75506836 0.32162109 1.51013672 0.48730469 2.28808594 C1.23453383 5.77693183 1.99220917 9.26343354 2.75 12.75 C3.00265625 13.93722656 3.2553125 15.12445312 3.515625 16.34765625 C5.0224884 23.24155632 6.82322025 29.85206464 9.23925781 36.48535156 C10 39 10 39 10 43 C-7.46556063 46.69994113 -25.06076143 49.6700195 -42.64813232 52.7207489 C-51.13612601 54.19425573 -59.6182489 55.6995102 -68.09643555 57.22851562 C-73.76933441 58.25073505 -79.44477998 59.24901512 -85.12890625 60.20703125 C-133.10971093 68.36435373 -184.12950051 85.46704456 -220 120 C-220.66 119.67 -221.32 119.34 -222 119 C-213.87851348 106.29417868 -204.79357339 94.65961577 -194.48046875 83.66796875 C-192.43719384 81.47024156 -190.48851198 79.23658936 -188.5625 76.9375 C-173.0773696 59.17730304 -152.17346438 44.69667435 -131.83837891 33.05273438 C-130.10839455 32.06207136 -128.3878344 31.05500258 -126.66796875 30.046875 C-109.34240943 20.3049605 -90.26933837 12.84875725 -71 8 C-70.33452148 7.8242041 -69.66904297 7.6484082 -68.98339844 7.46728516 C-46.27703508 1.48027684 -23.40059906 -0.20997547 0 0 Z " fill="#FCFCFC" transform="translate(875,1014)"/>
<path d="M0 0 C1.66093712 3.32187424 0.06163836 6.76596923 -0.75 10.25 C-4.61092231 27.73233381 -6.49469696 44.93904439 -6.33618164 62.84204102 C-6.31241499 65.69771402 -6.31568163 68.55245465 -6.32226562 71.40820312 C-6.29891701 87.46808917 -5.11381437 103.25863347 -1.8125 119 C-1.60109375 120.03125 -1.3896875 121.0625 -1.171875 122.125 C2.21654695 138.23452609 6.455715 154.17073752 11.2265625 169.92382812 C13.07614265 176.08706723 14.60075743 182.31943618 16.12768555 188.5690918 C17.42785028 193.84324933 18.85926324 199.05276817 20.4375 204.25 C23.47611255 214.27181243 25.92793732 224.44254671 28.41503906 234.61254883 C28.93710821 236.74331434 29.4659701 238.87220536 30 241 C26.72463648 242.09178784 23.81185411 242.38822588 20.375 242.75 C8.78915667 244.06657311 -2.59722708 246.61305591 -14 249 C-43.72045198 186.18802626 -48.70088873 116.84798588 -25.2578125 50.98046875 C-10.11414646 10.11414646 -10.11414646 10.11414646 0 0 Z " fill="#FCFCFC" transform="translate(610,1202)"/>
<path d="M0 0 C2.15003378 2.15003378 2.96508948 3.83851965 4.21484375 6.59375 C4.8646521 8.0024939 4.8646521 8.0024939 5.52758789 9.43969727 C6.22549438 10.95454712 6.22549438 10.95454712 6.9375 12.5 C16.876897 33.64446651 29.61780038 52.46967738 45 70 C45.72703125 70.83917969 46.4540625 71.67835938 47.203125 72.54296875 C56.95137922 83.60904252 67.33934027 93.95854938 79 103 C80.33903767 104.05536056 81.67753767 105.11140352 83.015625 106.16796875 C91.52380043 112.85970726 100.15400206 119.36159355 108.89257812 125.7487793 C114.33688075 129.74019209 119.68901077 133.83318448 125 138 C131.11241835 142.79443442 137.29564177 147.47177311 143.5625 152.0625 C145.13292453 153.21729558 146.70323752 154.37224286 148.2734375 155.52734375 C150.67529677 157.2940047 153.07912357 159.05762766 155.48925781 160.81298828 C157.89792314 162.57149365 160.29372678 164.34629878 162.6875 166.125 C163.42492432 166.65746338 164.16234863 167.18992676 164.92211914 167.73852539 C165.59106201 168.23989014 166.26000488 168.74125488 166.94921875 169.2578125 C167.83613403 169.90967529 167.83613403 169.90967529 168.7409668 170.57470703 C170 172 170 172 170 176 C168.4533468 177.95949293 166.93098483 179.67038755 165.1875 181.4375 C164.17756225 182.49928465 163.16981868 183.56315984 162.1640625 184.62890625 C161.64231445 185.17949707 161.12056641 185.73008789 160.58300781 186.29736328 C157.99142489 189.08479377 155.52130852 191.97051401 153.0625 194.875 C152.61479248 195.39763428 152.16708496 195.92026855 151.70581055 196.45874023 C148.85692511 199.83048499 146.38298334 203.29559434 144 207 C120.68163294 200.10878929 100.22497657 182.77987056 82.76953125 166.546875 C80.55388098 164.50935176 78.30761123 162.55517586 76 160.625 C32.9117038 122.95605652 6.06220091 61.023661 0 5 C-0.02449233 3.33351331 -0.03178299 1.66636359 0 0 Z " fill="#FCFCFC" transform="translate(375,2293)"/>
<path d="M0 0 C0.33 0 0.66 0 1 0 C1.12528076 0.91998779 1.25056152 1.83997559 1.37963867 2.7878418 C9.02253201 58.31926773 27.79374046 102.91292574 59.3125 149.25 C65.1988879 157.91027701 71.07066501 166.58026442 76.92578125 175.26171875 C77.5207692 176.14383026 78.11575714 177.02594177 78.72877502 177.93478394 C81.67751223 182.30698505 84.62515428 186.6799203 87.5715332 191.05371094 C88.67528829 192.69075836 89.77904795 194.3278027 90.8828125 195.96484375 C91.40955063 196.74763702 91.93628876 197.5304303 92.47898865 198.33694458 C94.88675922 201.90726577 97.31182204 205.46089971 99.80371094 208.97314453 C100.22925262 209.57518204 100.65479431 210.17721954 101.0932312 210.79750061 C102.21716703 212.38062866 103.35015293 213.95732105 104.48388672 215.53344727 C106 218 106 218 106 221 C105.44763672 221.28085449 104.89527344 221.56170898 104.32617188 221.85107422 C92.18511361 228.04985397 80.42081864 234.5530447 69 242 C39.75520768 217.57021719 19.18895581 180.60030981 7 145 C6.75701172 144.29858887 6.51402344 143.59717773 6.26367188 142.87451172 C4.69436262 138.2884178 3.30819499 133.66662833 2 129 C1.6891748 127.92951416 1.6891748 127.92951416 1.37207031 126.83740234 C-10.4290245 85.46215691 -8.89353592 41.731207 0 0 Z " fill="#FCFCFC" transform="translate(401,1727)"/>
<path d="M0 0 C1.98 0.33 3.96 0.66 6 1 C6.21092285 1.82910889 6.4218457 2.65821777 6.63916016 3.51245117 C11.61763466 23.16297218 11.61763466 23.16297218 17.0625 42.6875 C19.77366598 51.9403459 22.09188532 61.27571605 24.39477539 70.63745117 C26.12717259 77.63622136 27.96918463 84.58219577 30 91.5 C32.73459317 100.81516496 35.07593245 110.21045025 37.39453125 119.63671875 C39.12710586 126.63570959 40.96911745 133.5819451 43 140.5 C46.47657892 152.34301857 49.3989255 164.3233851 52.33911133 176.30883789 C52.88719761 178.54066468 53.44051125 180.7710101 54 183 C47.47648527 178.78063546 41.27149555 174.24808651 35.125 169.5 C28.30034275 164.26213585 21.44256862 159.08057142 14.5 154 C7.77480393 149.07466285 1.11953324 144.06642123 -5.5 139 C-12.89908419 133.33820422 -20.3512507 127.75875121 -27.86450195 122.24951172 C-36.96427889 115.57269553 -45.98207853 108.78675713 -55 102 C-53.39340807 96.06344688 -50.3419327 91.13067739 -47.25 85.875 C-42.43780854 77.61792811 -42.43780854 77.61792811 -38.0625 69.125 C-34.74789769 62.28195007 -30.92691348 55.7293403 -27.16699219 49.12475586 C-22.80414404 41.45150101 -18.54795466 33.7258763 -14.33642578 25.96875 C-9.61698166 17.27928103 -4.818468 8.63486523 0 0 Z " fill="#FDFDFD" transform="translate(950,2612)"/>
<path d="M0 0 C1.81640625 2.5625 1.81640625 2.5625 3.5625 6 C7.16670741 12.82359526 11.39792142 19.00946265 15.96313477 25.22460938 C16.45740967 25.90458984 16.95168457 26.58457031 17.4609375 27.28515625 C18.12295166 28.18053101 18.12295166 28.18053101 18.79833984 29.09399414 C20.19108487 31.30308809 21.09338104 33.55612783 22 36 C20.99924438 36.53403442 20.99924438 36.53403442 19.97827148 37.07885742 C7.20655973 43.90287807 -5.51102079 50.79454557 -18.09545898 57.95947266 C-25.27943361 62.04405606 -32.50477051 66.04977065 -39.74682617 70.0300293 C-68.83396605 86.01982711 -97.02771613 101.9194866 -122 124 C-122.81380127 124.71905518 -122.81380127 124.71905518 -123.64404297 125.45263672 C-140.68712861 140.6159335 -154.56863694 157.82126062 -166.9765625 176.92578125 C-168.57804457 179.358921 -170.21645898 181.69957289 -172 184 C-167.67441071 147.71311203 -145.85532335 109.91435096 -123 82 C-122.56864746 81.47245117 -122.13729492 80.94490234 -121.69287109 80.40136719 C-112.54969672 69.27199758 -103.11465541 58.20526614 -92 49 C-91.07058594 48.18273438 -90.14117187 47.36546875 -89.18359375 46.5234375 C-67.58765563 27.6070895 -42.40204035 13.9593375 -16 3 C-14.37964844 2.32710937 -14.37964844 2.32710937 -12.7265625 1.640625 C-4.22129065 -1.68851626 -4.22129065 -1.68851626 0 0 Z " fill="#FCFCFC" transform="translate(592,1467)"/>
<path d="M0 0 C4.70663412 1.41938947 8.93439954 3.39297219 13.25 5.7109375 C13.93602295 6.07482574 14.6220459 6.43871399 15.32885742 6.81362915 C17.55505024 7.99616086 19.77756895 9.18541579 22 10.375 C23.55323451 11.20210636 25.10662115 12.02892711 26.66015625 12.85546875 C35.64190184 17.64032804 44.5930282 22.47890566 53.51171875 27.38037109 C61.96026779 32.01034014 70.48024776 36.50296873 79 41 C100.99933159 52.61404154 100.99933159 52.61404154 110.18798828 57.74316406 C114.85790094 60.34183838 119.56086668 62.76842328 124.390625 65.05859375 C126.01170166 65.85753052 126.01170166 65.85753052 127.66552734 66.67260742 C129.71984939 67.68226624 131.7923183 68.65628347 133.88525391 69.58325195 C142.58124838 73.94313912 145.4433083 80.26977075 149.0859375 88.84912109 C149.96285426 90.91259242 150.87771479 92.95347768 151.81054688 94.9921875 C153.35403545 98.37811005 154.85991756 101.77916317 156.35345459 105.18737793 C158.06888039 109.1003348 159.79877236 113.00689928 161.52734375 116.9140625 C162.07113678 118.14419067 162.07113678 118.14419067 162.62591553 119.39916992 C166.82003636 128.87456308 171.09603426 138.31269551 175.375 147.75 C176.97024496 151.26944386 178.56529021 154.78897816 180.16015625 158.30859375 C180.55655304 159.18328812 180.95294983 160.05798248 181.36135864 160.95918274 C186.61232987 172.5515827 191.82605935 184.16077605 197.03857422 195.77050781 C197.39123352 196.5551944 197.74389282 197.33988098 198.10723877 198.14834595 C198.78779686 199.66305321 199.46747379 201.17815676 200.1461792 202.69369507 C201.68845673 206.12874137 203.25160379 209.54992425 204.87646484 212.94677734 C205.43672363 214.12320801 205.99698242 215.29963867 206.57421875 216.51171875 C207.06881592 217.53096436 207.56341309 218.55020996 208.07299805 219.6003418 C208.37890869 220.392229 208.68481934 221.18411621 209 222 C208.67 222.66 208.34 223.32 208 224 C206.96166016 222.87078125 206.96166016 222.87078125 205.90234375 221.71875 C198.29141353 213.45209259 190.62045357 205.24326351 182.92773438 197.05273438 C179.76272079 193.68249195 176.59992144 190.31017462 173.4375 186.9375 C172.81641357 186.27516357 172.19532715 185.61282715 171.55541992 184.93041992 C166.78570412 179.8421839 162.02606245 174.74461851 157.26928711 169.64428711 C153.02004222 165.08943562 148.76185648 160.54305114 144.5 156 C139.08079906 150.22324354 133.67184492 144.43707977 128.26953125 138.64453125 C124.0201865 134.08961564 119.76193519 129.54313503 115.5 125 C110.08079906 119.22324354 104.67184492 113.43707977 99.26953125 107.64453125 C95.0201865 103.08961564 90.76193519 98.54313503 86.5 94 C81.08079906 88.22324354 75.67184492 82.43707977 70.26953125 76.64453125 C66.0201865 72.08961564 61.76193519 67.54313503 57.5 63 C52.08079906 57.22324354 46.67184492 51.43707977 41.26953125 45.64453125 C37.02018609 41.0896152 32.7617906 36.5432711 28.5 32 C26.62619389 30.00140347 24.75251738 28.00268556 22.87890625 26.00390625 C21.61623116 24.65722783 20.35320477 23.3108787 19.08984375 21.96484375 C0 1.62063655 0 1.62063655 0 0 Z " fill="#FCFCFC" transform="translate(2873,1141)"/>
<path d="M0 0 C0.66 0 1.32 0 2 0 C2.17539307 0.72251953 2.35078613 1.44503906 2.53149414 2.18945312 C5.88534577 15.94817584 9.3814588 29.61198167 13.43920898 43.18188477 C15.82534765 51.22748066 17.87836844 59.33318181 19.86914062 67.484375 C21.46508193 73.97938548 23.23846568 80.38779845 25.18066406 86.78662109 C26.7495734 92.00756101 28.08822234 97.26559473 29.375 102.5625 C31.19131092 110.02488515 33.24589961 117.38941829 35.4375 124.75 C38.16814593 133.92857964 40.59178299 143.14876339 42.85986328 152.45166016 C44.52760353 159.24778622 46.36894069 165.96572977 48.43994141 172.65014648 C49.59510048 176.41487512 50.44218119 180.10126637 51 184 C48.61112241 184.86224177 47.43484992 185.1721686 45.03417969 184.22167969 C44.33711914 183.79274414 43.64005859 183.36380859 42.921875 182.921875 C42.10726807 182.43017822 41.29266113 181.93848145 40.45336914 181.43188477 C39.56125732 180.87686279 38.66914551 180.32184082 37.75 179.75 C35.76467568 178.54499153 33.77897535 177.34060242 31.79296875 176.13671875 C30.70935059 175.47462402 29.62573242 174.8125293 28.50927734 174.13037109 C24.77103367 171.85325423 21.00676897 169.62114012 17.23828125 167.39453125 C16.57206757 167.00081833 15.90585388 166.60710541 15.2194519 166.20146179 C13.85571764 165.3956281 12.49195809 164.5898372 11.12817383 163.78408813 C-0.86374608 156.6923649 -12.79573017 149.50711304 -24.68359375 142.2421875 C-30.21148372 138.86545457 -35.75864162 135.52131607 -41.3125 132.1875 C-42.16166992 131.67711182 -43.01083984 131.16672363 -43.88574219 130.64086914 C-44.66208008 130.17543701 -45.43841797 129.71000488 -46.23828125 129.23046875 C-47.259823 128.61788208 -47.259823 128.61788208 -48.30200195 127.99291992 C-49.51077875 127.28607661 -50.74755637 126.62622182 -52 126 C-51.30362683 121.06992445 -49.36198195 116.78791716 -47.4140625 112.25 C-47.04543091 111.38065826 -46.67679932 110.51131653 -46.29699707 109.6156311 C-45.07731718 106.74189733 -43.8511032 103.87099836 -42.625 101 C-41.76756414 98.9824725 -40.91063841 96.96472813 -40.05419922 94.94677734 C-38.26860133 90.74068297 -36.4807905 86.53553958 -34.69140625 82.33105469 C-30.88432755 73.3812666 -27.10244991 64.42085245 -23.32138062 55.46005249 C-22.13115609 52.63958802 -20.94028529 49.81939719 -19.74926758 46.99926758 C-13.13885285 31.34428411 -6.5589957 15.67659225 0 0 Z " fill="#FCFCFC" transform="translate(793,2015)"/>
<path d="M0 0 C0.92275726 0.00182281 1.84551453 0.00364563 2.79623413 0.00552368 C32.91911685 0.10554126 60.00420808 5.79464971 88.5 15.3125 C88.35739034 17.81272037 88.21098536 20.3126271 88.0625 22.8125 C88.02318359 23.50859375 87.98386719 24.2046875 87.94335938 24.921875 C87.6957792 29.03551485 87.2777238 33.08188161 86.73852539 37.16992188 C86.270916 41.37026991 86.12459984 45.59201845 85.9375 49.8125 C85.87272461 51.18921875 85.87272461 51.18921875 85.80664062 52.59375 C85.70166538 54.83322198 85.60004865 57.07280424 85.5 59.3125 C78.97799104 58.63446937 72.52157372 57.74279355 66.046875 56.7109375 C65.04965424 56.55369705 64.05243347 56.3964566 63.0249939 56.23445129 C60.88194619 55.89635538 58.73903611 55.55738617 56.59625244 55.21762085 C53.19852473 54.67934517 49.80027103 54.14451039 46.40185547 53.6105957 C36.30949984 52.02408536 26.21842151 50.43024035 16.13131714 48.81065369 C-45.37467332 38.94161753 -98.42986788 38.18732117 -158.5 56.3125 C-154.71318943 52.27903893 -150.70416062 49.1525027 -146.125 46.0625 C-145.41657959 45.58288818 -144.70815918 45.10327637 -143.97827148 44.60913086 C-141.82670809 43.1646158 -139.66623699 41.73489948 -137.5 40.3125 C-136.60643799 39.7239624 -136.60643799 39.7239624 -135.69482422 39.12353516 C-106.01825061 19.83674788 -71.37574421 7.68415953 -36.5 2.3125 C-35.35289551 2.13372314 -34.20579102 1.95494629 -33.02392578 1.77075195 C-22.00205581 0.21353999 -11.120525 -0.04564203 0 0 Z " fill="#FDFDFD" transform="translate(1201.5,664.6875)"/>
<path d="M0 0 C-1.68206515 5.54092049 -3.74114774 10.80825397 -6.09765625 16.09375 C-9.93191962 24.77845956 -13.5969093 33.53020977 -17.24731445 42.29345703 C-23.60577444 57.55431163 -30.01741738 72.79147844 -36.5 88 C-43.29305495 103.93837886 -50.00613546 119.90916507 -56.67382812 135.90039062 C-61.70817921 147.96582803 -66.82946833 159.99230074 -72 172 C-73.98 172 -75.96 172 -78 172 C-79.74334171 167.5939732 -81.48476747 163.18719513 -83.22460938 158.77978516 C-83.81363338 157.28837893 -84.40313245 155.79716023 -84.99316406 154.30615234 C-88.64667202 145.07262797 -92.21826565 135.81427719 -95.68701172 126.50976562 C-97.25279362 122.32425416 -98.86551632 118.15903274 -100.5 114 C-102.96099334 107.70595508 -105.37077769 101.39563848 -107.71948242 95.05883789 C-109.06747411 91.43608203 -110.45679739 87.83427805 -111.89453125 84.24609375 C-112.21357422 83.44494141 -112.53261719 82.64378906 -112.86132812 81.81835938 C-113.47723724 80.27668953 -114.09925012 78.73743841 -114.72851562 77.20117188 C-116.49573248 72.76493186 -117.51881725 68.7555854 -118 64 C-115.89666611 62.79019919 -113.79234881 61.58216043 -111.6875 60.375 C-111.11193359 60.04371094 -110.53636719 59.71242188 -109.94335938 59.37109375 C-101.17788854 54.34871587 -92.26416466 49.59894075 -83.34814453 44.85083008 C-71.83747096 38.71682078 -60.39917154 32.47419845 -49.03491211 26.0715332 C-41.29974607 21.71582664 -33.52212213 17.44437134 -25.71826172 13.21313477 C-19.34648585 9.75307808 -13.01898745 6.22140968 -6.74389648 2.58862305 C-2.21638446 0 -2.21638446 0 0 0 Z " fill="#FDFDFD" transform="translate(1111,1242)"/>
<path d="M0 0 C0.61359375 0.1959375 1.2271875 0.391875 1.859375 0.59375 C2.26854054 14.50213115 1.06652496 28.35416413 0.109375 42.21875 C0.01866585 43.55318776 -0.07182679 44.88764025 -0.16210938 46.22210693 C-1.53289549 66.47859134 -3.03107175 86.72396709 -4.63525391 106.96337891 C-5.51760846 118.15052507 -6.34095382 129.33967717 -7.07633209 140.53741074 C-7.21003491 142.57220116 -7.34472602 144.60692398 -7.47967529 146.64163208 C-7.91275563 153.18247367 -8.33655624 159.72375157 -8.74609375 166.26611328 C-8.90068539 168.62534889 -9.05561557 170.98456235 -9.2109375 173.34375 C-9.2754007 174.42655243 -9.33986389 175.50935486 -9.40628052 176.62496948 C-9.47346283 177.6201358 -9.54064514 178.61530212 -9.60986328 179.640625 C-9.66441681 180.50526367 -9.71897034 181.36990234 -9.775177 182.26074219 C-10.15993409 184.71701857 -10.91245795 186.4463863 -12.140625 188.59375 C-12.76553833 187.65245239 -12.76553833 187.65245239 -13.40307617 186.69213867 C-23.72196046 171.1507901 -23.72196046 171.1507901 -34.203125 155.71875 C-40.18179693 147.01729799 -46.10284984 138.27754129 -52.015625 129.53125 C-52.49944641 128.8156189 -52.98326782 128.09998779 -53.48175049 127.3626709 C-55.47713126 124.4111237 -57.47236022 121.45947398 -59.46734619 118.50765991 C-64.81815 110.5905241 -70.17258176 102.67584389 -75.52716064 94.76126099 C-77.99089088 91.11957276 -80.45442505 87.47775191 -82.91796875 83.8359375 C-83.74340723 82.615722 -84.56884657 81.39550708 -85.39428711 80.17529297 C-85.97057861 79.32338379 -86.54687012 78.47147461 -87.140625 77.59375 C-85.47274078 74.01684728 -83.63703433 72.00914355 -80.640625 69.40625 C-79.7434375 68.61863281 -78.84625 67.83101562 -77.921875 67.01953125 C-77.0040625 66.21902344 -76.08625 65.41851563 -75.140625 64.59375 C-73.47114294 63.09688414 -71.80440877 61.59694704 -70.140625 60.09375 C-69.31820312 59.35382812 -68.49578125 58.61390625 -67.6484375 57.8515625 C-65.95469606 56.32666756 -64.26201331 54.80059598 -62.5703125 53.2734375 C-58.82498244 49.89462292 -55.07544293 46.52479035 -51.265625 43.21875 C-47.29809776 39.76523439 -43.4321486 36.2037106 -39.56298828 32.64111328 C-36.1761794 29.52789956 -32.74164956 26.48130462 -29.265625 23.46875 C-26.52238818 21.04824692 -23.8318958 18.57161974 -21.140625 16.09375 C-17.07739183 12.3555247 -13.00456626 8.63367883 -8.81640625 5.03515625 C-7.3187401 3.7469539 -5.85235207 2.42259279 -4.390625 1.09375 C-2.140625 -0.40625 -2.140625 -0.40625 0 0 Z " fill="#FDFDFD" transform="translate(844.140625,2217.40625)"/>
<path d="M0 0 C0.86633057 -0.00133942 1.73266113 -0.00267883 2.62524414 -0.00405884 C16.4012888 0.00055524 29.73493559 0.7837801 43.3125 3.25 C45.22869141 3.55744141 45.22869141 3.55744141 47.18359375 3.87109375 C88.2865331 11.11925721 129.9477327 29.48687005 161.3125 57.25 C161.08175781 57.75112305 160.85101562 58.25224609 160.61328125 58.76855469 C154.79170691 71.4529138 149.38815548 84.24968351 144.3125 97.25 C125.67300866 88.06234521 107.12255376 78.62277369 88.9375 68.5625 C79.42733938 63.31729055 69.80124674 58.30276687 60.1461792 53.3309021 C58.45622349 52.4603739 56.76710073 51.58822631 55.07891846 50.71426392 C40.69928587 43.27655399 26.11489889 36.08986846 10.875 30.5625 C10.10260986 30.28051758 9.33021973 29.99853516 8.53442383 29.70800781 C0.62599314 26.89321034 -7.4215917 24.71445394 -15.58007812 22.75683594 C-17.41675386 22.31511457 -19.24798839 21.85088891 -21.078125 21.3828125 C-42.16082406 16.34581297 -64.11557268 15.6917876 -85.6875 15.25 C-83.117712 13.536808 -81.70583417 12.83678161 -78.84375 12.06640625 C-78.0909375 11.86080078 -77.338125 11.65519531 -76.5625 11.44335938 C-75.77875 11.23517578 -74.995 11.02699219 -74.1875 10.8125 C-73.05828125 10.50602539 -73.05828125 10.50602539 -71.90625 10.19335938 C-70.33363514 9.76700011 -68.75993732 9.34461968 -67.18530273 8.92578125 C-65.48010273 8.4644389 -63.77915938 7.98714218 -62.08227539 7.49609375 C-55.15539819 5.51430499 -48.24327899 4.21209209 -41.125 3.125 C-40.06603516 2.95613281 -39.00707031 2.78726562 -37.91601562 2.61328125 C-34.84300213 2.13235369 -31.76791375 1.68081989 -28.6875 1.25 C-27.91317627 1.14107422 -27.13885254 1.03214844 -26.34106445 0.91992188 C-17.60907795 -0.12765273 -8.78139092 0.00800463 0 0 Z " fill="#FCFCFC" transform="translate(1630.6875,442.75)"/>
<path d="M0 0 C8.31134059 -0.23240843 16.45576461 0.66941578 24.703125 1.57421875 C26.25084207 1.74049217 27.79860318 1.90635606 29.34640503 2.07183838 C33.46620112 2.51356504 37.58532914 2.96124131 41.70432281 3.41038132 C45.95344622 3.87293466 50.20308008 4.33075386 54.45263672 4.78930664 C61.99728913 5.60428367 69.54135625 6.42454487 77.08517647 7.24718571 C83.22887029 7.91684775 89.37322828 8.58014549 95.51782227 9.24150085 C99.76594168 9.6995416 104.01362023 10.16154175 108.2611084 10.62539673 C110.16502111 10.83288272 112.06907394 11.03908718 113.9732666 11.24398804 C116.54777248 11.52166959 119.12160715 11.80485221 121.6953125 12.08984375 C122.43635223 12.16865784 123.17739197 12.24747192 123.94088745 12.32867432 C128.8854737 12.8854737 128.8854737 12.8854737 130 14 C129.81332007 24.49364893 128.55245248 34.97739984 127.32543945 45.39160156 C127.06187116 47.63034139 126.8048606 49.86976204 126.54882812 52.109375 C125.51198051 61.0963727 124.33222596 70.05136247 123 79 C115.44825164 78.30031724 108.11665716 76.94544933 100.6875 75.4375 C100.04140778 75.3075061 99.39531555 75.17751221 98.72964478 75.0435791 C87.4486938 72.77184547 76.21963745 70.28956764 64.99530029 67.75497437 C48.74314468 64.09137246 32.42269677 60.77741264 16.08862305 57.50097656 C4.67214128 55.20405833 -6.68673396 52.76281865 -18 50 C-12.28401414 33.22167209 -6.32023384 16.56041265 0 0 Z " fill="#FDFDFD" transform="translate(2585,2890)"/>
<path d="M0 0 C1.69204852 0.25679203 3.37951282 0.54478486 5.0625 0.85546875 C5.99513672 1.00491943 6.92777344 1.15437012 7.88867188 1.30834961 C10.03594935 1.65709498 12.18102159 2.01957699 14.32421875 2.39257812 C18.55600887 3.12883001 22.79292525 3.8299185 27.03125 4.52734375 C31.73735318 5.3032297 36.442689 6.08268047 41.14453125 6.8840332 C50.10121362 8.40868509 59.05949937 9.81340891 68.0625 11.04296875 C69.52311622 15.64515522 68.05476173 19.22137482 66.625 23.66796875 C66.35494141 24.53679688 66.08488281 25.405625 65.80664062 26.30078125 C65.2151459 28.20210966 64.61940717 30.1021216 64.02001953 32.00097656 C62.68702496 36.23583438 61.38506043 40.48003944 60.08178711 44.72412109 C59.3977375 46.95141941 58.7123356 49.17830282 58.02563477 51.40478516 C55.76735905 58.7273826 53.54891351 66.06077859 51.3581543 73.40380859 C48.90833416 81.59640507 46.3885338 89.76728098 43.86523438 97.9375 C41.90193399 104.29748716 39.96338308 110.66403525 38.0625 117.04296875 C35.19216636 115.66754178 32.54526683 114.1242658 29.88671875 112.37597656 C29.07066162 111.8407135 28.25460449 111.30545044 27.41381836 110.75396729 C26.5347583 110.17386902 25.65569824 109.59377075 24.75 108.99609375 C23.82646729 108.38844177 22.90293457 107.78078979 21.95141602 107.15472412 C19.98705761 105.8612642 18.02345462 104.56665642 16.06054688 103.27099609 C13.13134384 101.33838999 10.19868562 99.4111198 7.265625 97.484375 C-2.95681243 90.75367886 -13.0756861 83.90344844 -23.07843018 76.85025024 C-29.52496318 72.30976738 -36.05623306 67.93552473 -42.6875 63.66796875 C-43.69425781 63.01570312 -44.70101563 62.3634375 -45.73828125 61.69140625 C-48.13592809 60.13864449 -50.53558293 58.58911297 -52.9375 57.04296875 C-51.60682979 53.53640035 -50.51794737 51.28306095 -47.75 48.73046875 C-45.26975607 46.35717579 -42.92755056 43.95716603 -40.6875 41.35546875 C-37.70782891 37.90145541 -34.65152584 34.52405887 -31.5625 31.16796875 C-27.39222937 26.63441679 -23.24978465 22.07784984 -19.13671875 17.4921875 C-17.60177235 15.78275341 -16.06234884 14.07733347 -14.51953125 12.375 C-13.72933594 11.50230469 -12.93914062 10.62960937 -12.125 9.73046875 C-11.41730469 8.95058594 -10.70960937 8.17070313 -9.98046875 7.3671875 C-7.83753031 5.07100394 -7.83753031 5.07100394 -6.23828125 2.19921875 C-3.9375 0.04296875 -3.9375 0.04296875 0 0 Z " fill="#FDFDFD" transform="translate(1624.9375,789.95703125)"/>
<path d="M0 0 C1.02824402 1.88386536 1.02824402 1.88386536 1.95776367 4.38598633 C2.31210983 5.32239456 2.66645599 6.2588028 3.03153992 7.22358704 C3.40656143 8.24937363 3.78158295 9.27516022 4.16796875 10.33203125 C4.56647537 11.39298508 4.96498199 12.4539389 5.37556458 13.54704285 C6.6570114 16.96493751 7.92274574 20.38839745 9.1875 23.8125 C10.84380084 28.25795352 12.50594226 32.70121578 14.16796875 37.14453125 C14.57836899 38.24483673 14.98876923 39.34514221 15.41160583 40.47879028 C18.49780247 48.73033937 21.72751828 56.91549384 25.02416992 65.0847168 C28.25786961 73.10419901 31.38878238 81.16357581 34.49438477 89.23339844 C35.21817859 91.10814853 35.94651261 92.98115095 36.67895508 94.85253906 C37.75611298 97.60609047 38.81901283 100.36476503 39.87890625 103.125 C40.20895157 103.9603125 40.53899689 104.795625 40.87904358 105.65625 C41.17362961 106.43226562 41.46821564 107.20828125 41.77172852 108.0078125 C42.1652224 109.02319092 42.1652224 109.02319092 42.56666565 110.05908203 C43.08804017 112.39433463 42.81386134 113.76604386 42 116 C40.48803711 117.47290039 40.48803711 117.47290039 38.52734375 118.84765625 C37.8003125 119.36505371 37.07328125 119.88245117 36.32421875 120.41552734 C35.53660156 120.95902832 34.74898437 121.5025293 33.9375 122.0625 C33.13054687 122.63178223 32.32359375 123.20106445 31.4921875 123.78759766 C29.0034123 125.537822 26.5036828 127.27118396 24 129 C23.25508301 129.51643066 22.51016602 130.03286133 21.74267578 130.56494141 C18.36769929 132.90276373 14.98521614 135.22913656 11.59375 137.54296875 C7.03380207 140.6543345 2.51316696 143.821255 -2 147 C-4.42937048 144.79093988 -5.84345989 142.67552784 -7.29321289 139.73828125 C-7.72118668 138.87887939 -8.14916046 138.01947754 -8.59010315 137.1340332 C-9.04634567 136.20292725 -9.5025882 135.27182129 -9.97265625 134.3125 C-10.4552037 133.34078857 -10.93775116 132.36907715 -11.43492126 131.36791992 C-12.98314741 128.24806562 -14.52325497 125.12429375 -16.0625 122 C-18.07101494 117.93590814 -20.08310863 113.87360467 -22.09765625 109.8125 C-22.5973291 108.80447327 -23.09700195 107.79644653 -23.61181641 106.75787354 C-27.05940953 99.82662284 -30.62130585 92.96505983 -34.25334167 86.12908936 C-39.4787414 76.26300186 -44.41072702 66.24919978 -49.375 56.25 C-51.29710911 52.37902388 -53.22197856 48.50943783 -55.1484375 44.640625 C-55.57764496 43.77391174 -56.00685242 42.90719849 -56.44906616 42.01422119 C-58.29915055 38.29906939 -60.1776547 34.65069298 -62.30322266 31.08496094 C-64 28 -64 28 -64 25 C-50.14584115 18.82612907 -36.24142199 12.79275321 -22.25 6.9375 C-21.57419891 6.65460114 -20.89839783 6.37170227 -20.20211792 6.08023071 C-16.13758859 4.37994931 -12.07221199 2.68181432 -8 1 C-7.10506836 0.59467041 -6.21013672 0.18934082 -5.28808594 -0.22827148 C-3 -1 -3 -1 0 0 Z " fill="#FDFDFD" transform="translate(1133,1697)"/>
<path d="M0 0 C13.442626 2.20601177 26.73765702 5.01305964 40.04888916 7.89871216 C46.25132263 9.24329236 52.45592544 10.57780514 58.66015625 11.9140625 C59.88889465 12.1790303 61.11763306 12.44399811 62.38360596 12.71699524 C75.32318755 15.50558643 88.27548104 18.23233038 101.23069763 20.94715881 C103.2168176 21.36375269 105.20265263 21.78170427 107.18847656 22.19970703 C109.81978234 22.7521936 112.45175348 23.30004979 115.08496094 23.84326172 C116.3640332 24.11025879 117.64310547 24.37725586 118.9609375 24.65234375 C120.67095947 25.00607056 120.67095947 25.00607056 122.41552734 25.36694336 C125 26 125 26 126 27 C126.26049984 29.28017762 126.43587018 31.52276248 126.5625 33.8125 C126.6049585 34.56063965 126.64741699 35.3087793 126.69116211 36.07958984 C127.40049349 51.02835627 127.07864102 66.03884778 127 81 C110.15990676 80.46150425 93.45439874 78.40311426 76.72483444 76.52075195 C72.6621068 76.06476566 68.59875169 75.61445199 64.53540039 75.1640625 C62.90037504 74.98279105 61.26535001 74.80151664 59.63032532 74.62023926 C58.82293726 74.53073502 58.0155492 74.44123077 57.18369484 74.34901428 C54.74844209 74.07881896 52.313261 73.80798599 49.87809753 73.5369873 C35.90232526 71.9825928 21.9215529 70.47815059 7.9375 69 C6.44290756 68.84174744 6.44290756 68.84174744 4.91812134 68.68029785 C-0.38774115 68.1185013 -5.69376309 67.5582488 -11 67 C-9.13531624 51.92301129 -6.72535169 36.94360438 -4 22 C-3.64048633 20.01695222 -3.28112018 18.03387769 -2.921875 16.05078125 C-1.95149518 10.69986613 -0.97708256 5.34969496 0 0 Z " fill="#FDFDFD" transform="translate(1231,2672)"/>
<path d="M0 0 C1.64804791 3.29609583 1.32704659 6.98273594 1.46484375 10.61328125 C1.50244308 11.50988464 1.54004242 12.40648804 1.57878113 13.33026123 C1.70300952 16.32417031 1.8204386 19.3183027 1.9375 22.3125 C2.02236118 24.41138758 2.10748951 26.51026438 2.19287109 28.60913086 C2.37338012 33.0745893 2.55042954 37.54016875 2.72509766 42.00585938 C2.95466972 47.8721299 3.19181658 53.73806701 3.43086243 59.60395813 C3.62069197 64.28714097 3.80610694 68.97049115 3.99026489 73.65390015 C4.07872318 75.89176457 4.16842499 78.12958026 4.25949097 80.36734009 C4.84858836 94.92033936 5.11383767 109.43510318 5 124 C-12.9538909 129.1862733 -30.94166707 134.18915484 -49 139 C-52.13253029 121.14390313 -54.68775092 103.22645772 -57.08909988 85.26027298 C-57.86815828 79.44179911 -58.65624494 73.62453554 -59.4435215 67.80716896 C-59.63964364 66.35783419 -59.83563694 64.90848199 -60.03149986 63.45911217 C-62.043416 48.57578787 -64.15402493 33.70730966 -66.32373047 18.84619141 C-66.43952957 18.0481459 -66.55532867 17.2501004 -66.67463684 16.4278717 C-66.88616139 14.97107836 -67.09946077 13.51454101 -67.31498718 12.05833435 C-67.70994894 9.33597609 -68 6.75627882 -68 4 C-18.73401406 -0.53104292 -18.73401406 -0.53104292 0 0 Z " fill="#FDFDFD" transform="translate(1311,1409)"/>
<path d="M0 0 C0.33 0 0.66 0 1 0 C0.44978372 15.26156109 -0.36541001 30.48519674 -1.44247437 45.71826172 C-1.88635509 52.0030245 -2.3184585 58.28859853 -2.75 64.57421875 C-2.7974404 65.26394146 -2.84488079 65.95366417 -2.89375877 66.66428757 C-3.82041117 80.15531909 -4.6959526 93.64952047 -5.5625 107.14453125 C-5.6295344 108.18794363 -5.69656879 109.23135601 -5.76563454 110.30638695 C-6.44174955 120.83426429 -7.11522806 131.36230807 -7.78585625 141.89053631 C-8.0395673 145.86913171 -8.29441403 149.84765387 -8.54948425 153.82616234 C-8.66851489 155.68746609 -8.78699968 157.54880484 -8.90489197 159.41018105 C-9.48813233 168.61849791 -10.07385061 177.81820798 -11 187 C-12.32 187.33 -13.64 187.66 -15 188 C-15.51046875 187.36835937 -16.0209375 186.73671875 -16.546875 186.0859375 C-21.91287198 179.48309725 -27.40131593 173.00062486 -32.94921875 166.55078125 C-39.19427321 159.28968997 -45.3963115 151.99446571 -51.4375 144.5625 C-55.84913055 139.14429421 -60.39323642 133.8472915 -64.94921875 128.55078125 C-69.66840858 123.06380457 -74.34655178 117.54279704 -79 112 C-79.44069824 111.47680176 -79.88139648 110.95360352 -80.33544922 110.41455078 C-81.60366203 108.90557973 -82.86448429 107.39040672 -84.125 105.875 C-84.84945312 105.00617188 -85.57390625 104.13734375 -86.3203125 103.2421875 C-88 101 -88 101 -89 98 C-88.34 98 -87.68 98 -87 98 C-86.74114014 97.41895508 -86.48228027 96.83791016 -86.21557617 96.23925781 C-84.90515824 93.82528848 -83.45153118 92.15002879 -81.55078125 90.171875 C-80.86693359 89.45386719 -80.18308594 88.73585938 -79.47851562 87.99609375 C-78.76373047 87.25488281 -78.04894531 86.51367188 -77.3125 85.75 C-72.63589342 80.86968582 -68.03528426 75.95892107 -63.61010742 70.84863281 C-61.28992093 68.18472802 -58.89733557 65.5947632 -56.5 63 C-53.47995128 59.7221859 -50.47795863 56.43416732 -47.5625 53.0625 C-43.93855356 48.87967989 -40.16744254 44.83728193 -36.40478516 40.77978516 C-33.15384488 37.26787256 -29.97015687 33.70998582 -26.83984375 30.08984375 C-24.43329705 27.35629282 -21.96689789 24.67892604 -19.5 22 C-14.58599457 16.66078403 -9.78156997 11.23957948 -5.0546875 5.734375 C-4.09949219 4.62835937 -4.09949219 4.62835937 -3.125 3.5 C-2.26261719 2.49453125 -2.26261719 2.49453125 -1.3828125 1.46875 C-0.92648437 0.9840625 -0.47015625 0.499375 0 0 Z " fill="#FDFDFD" transform="translate(887,1603)"/>
<path d="M0 0 C2.8364094 1.29715018 4.95927116 2.68806998 7.21484375 4.8359375 C7.81224365 5.39982178 8.40964355 5.96370605 9.02514648 6.54467773 C9.97176147 7.45068726 9.97176147 7.45068726 10.9375 8.375 C12.2809517 9.64484691 13.6247073 10.91437238 14.96875 12.18359375 C15.64292969 12.82280762 16.31710937 13.46202148 17.01171875 14.12060547 C19.9672761 16.91430395 22.94874355 19.67939854 25.9375 22.4375 C26.46875488 22.92814941 27.00000977 23.41879883 27.54736328 23.92431641 C31.63576751 27.68903925 35.78215619 31.38106452 40 35 C39.31142951 38.64190504 37.77267882 41.47576581 35.97265625 44.69921875 C35.35068359 45.8169165 34.72871094 46.93461426 34.08789062 48.08618164 C33.41302431 49.28676947 32.73788811 50.48720563 32.0625 51.6875 C31.37027728 52.9249563 30.67822106 54.16250576 29.98632812 55.40014648 C25.63534977 63.16690523 21.19216509 70.87416688 16.64453125 78.52734375 C13.27863292 84.19933551 9.98403381 89.91250478 6.6875 95.625 C6.0493335 96.73069336 5.41116699 97.83638672 4.75366211 98.97558594 C1.04220758 105.4189597 -2.63414822 111.88079611 -6.27856445 118.36230469 C-14.6853974 133.31273432 -14.6853974 133.31273432 -18.625 139.875 C-19.51058594 141.35613281 -19.51058594 141.35613281 -20.4140625 142.8671875 C-22 145 -22 145 -25 146 C-27.27618514 144.89948776 -29.3396789 143.75351812 -31.484375 142.43359375 C-32.45126251 141.85501114 -32.45126251 141.85501114 -33.43768311 141.26473999 C-35.5478109 139.99870749 -37.64882706 138.7183296 -39.75 137.4375 C-41.19414413 136.56709356 -42.63880863 135.69754995 -44.08398438 134.82885742 C-47.71093375 132.64515701 -51.33037985 130.44937889 -54.94702148 128.24865723 C-56.88336419 127.07093993 -58.82117335 125.89568952 -60.75976562 124.72167969 C-67.18356417 120.83137315 -73.5984831 116.92687448 -80 113 C-79.39295849 109.90071349 -78.41654477 107.87660113 -76.55078125 105.33984375 C-76.03966797 104.63859375 -75.52855469 103.93734375 -75.00195312 103.21484375 C-74.16567383 102.08755859 -74.16567383 102.08755859 -73.3125 100.9375 C-72.73306641 100.14601563 -72.15363281 99.35453125 -71.55664062 98.5390625 C-69.71088374 96.02122013 -67.85623758 93.51012289 -66 91 C-64.82654659 89.40775569 -63.6533645 87.81531139 -62.48046875 86.22265625 C-60.73338945 83.85137488 -58.98566202 81.48058638 -57.23583984 79.11132812 C-51.09192765 70.78786691 -45.04296267 62.39688604 -39 54 C-32.36146462 44.775547 -25.69806034 35.57304063 -18.9375 26.4375 C-12.48787373 17.72018045 -6.21299981 8.88709314 0 0 Z " fill="#FDFDFD" transform="translate(1097,2193)"/>
<path d="M0 0 C6.41756154 1.23969898 12.78450571 2.59974552 19.125 4.1875 C19.96611328 4.39745605 20.80722656 4.60741211 21.67382812 4.82373047 C29.64978875 6.84971755 37.54313769 9.14158058 45.42626953 11.50073242 C52.23981979 13.53127994 59.09001086 15.3271992 66 17 C64.36618474 23.91229533 62.30219491 30.65873346 60.1875 37.4375 C56.54517717 49.19763141 52.96775307 60.96960129 49.64453125 72.82421875 C46.6354634 83.53085447 43.40388635 94.14028574 39.97705078 104.72094727 C37.47988107 112.44434504 35.1016844 120.19653694 32.81445312 127.98461914 C31.09751213 133.80497574 31.09751213 133.80497574 30 136 C20.21300673 136.16764929 10.47626784 135.71308906 0.70678711 135.20043945 C-1.95631177 135.06151868 -4.61970842 134.92991571 -7.28320312 134.79882812 C-8.98960578 134.7113744 -10.69598689 134.62349907 -12.40234375 134.53515625 C-13.19197006 134.49656998 -13.98159637 134.4579837 -14.79515076 134.41822815 C-18.61357708 134.21247481 -22.27551405 133.8853704 -26 133 C-22.07311483 109.73162701 -17.84037139 86.55105245 -12.9453125 63.46411133 C-11.15960894 54.95914357 -9.57352079 46.42098632 -8 37.875 C-5.66059029 25.17017965 -3.00810984 12.56484817 0 0 Z " fill="#FDFDFD" transform="translate(1509,1178)"/>
<path d="M0 0 C2.39052213 0.89548817 3.33855916 1.82198067 4.97485352 3.76269531 C5.76581421 4.68804077 5.76581421 4.68804077 6.57275391 5.63208008 C7.12439209 6.29651123 7.67603027 6.96094238 8.24438477 7.64550781 C9.11148071 8.66825806 9.11148071 8.66825806 9.99609375 9.71166992 C13.97016738 14.41503275 17.87323545 19.17675371 21.74829102 23.96191406 C24.47032661 27.27349375 27.25831616 30.52360781 30.05688477 33.77050781 C34.37628062 38.7836084 38.60785913 43.85588492 42.77954102 48.99316406 C45.33892448 52.11447049 47.94278393 55.19504205 50.55688477 58.27050781 C54.65141325 63.08768317 58.6690119 67.96012549 62.65454102 72.86816406 C64.47347693 75.06567526 66.31105572 77.23546108 68.17797852 79.39160156 C68.98634155 80.32564819 68.98634155 80.32564819 69.81103516 81.27856445 C70.86537531 82.49298517 71.92298897 83.70457422 72.984375 84.9128418 C75.70664159 88.04717597 78.04327448 91.11313402 80.05688477 94.77050781 C73.81252401 103.65887717 67.53969897 112.5253171 61.18188477 121.33300781 C60.39841675 122.4194458 60.39841675 122.4194458 59.59912109 123.52783203 C56.13687924 128.31492538 52.61642125 133.05534967 49.05688477 137.77050781 C44.60584998 137.35247682 42.19556829 134.27152623 39.26000977 131.23144531 C38.43131378 130.39282455 38.43131378 130.39282455 37.58587646 129.53726196 C35.81896707 127.7469735 34.06248742 125.94687947 32.30688477 124.14550781 C30.00343801 121.79535228 27.69566263 119.4495153 25.38500977 117.10644531 C24.82463013 116.53738464 24.26425049 115.96832397 23.68688965 115.38201904 C20.29245969 111.95519515 16.80062087 108.73090008 13.12231445 105.60888672 C7.65464507 100.74227319 2.61592842 95.37568722 -2.52514648 90.16796875 C-7.82339371 84.8072732 -13.11828928 79.53052404 -18.85620117 74.63476562 C-23.63580493 70.36510556 -28.06789504 65.70626908 -32.56811523 61.14550781 C-34.57812598 59.10864577 -36.59161309 57.07531006 -38.60717773 55.04394531 C-39.48841309 54.1511084 -40.36964844 53.25827148 -41.27758789 52.33837891 C-44.06449864 49.6535715 -46.94324498 47.21226267 -49.94311523 44.77050781 C-48.85544453 41.50749571 -48.1924481 40.89210853 -45.63061523 38.77050781 C-41.98967122 35.68518362 -38.44822476 32.5084512 -34.94311523 29.27050781 C-30.98652815 25.62688154 -26.99440376 22.03342684 -22.93139648 18.50878906 C-20.60226471 16.47251472 -18.30324362 14.40475568 -16.00561523 12.33300781 C-15.16901367 11.5840625 -14.33241211 10.83511719 -13.47045898 10.06347656 C-11.77557844 8.52577196 -10.10105631 6.96534662 -8.44702148 5.38378906 C-7.66198242 4.64515625 -6.87694336 3.90652344 -6.06811523 3.14550781 C-5.36944336 2.47261719 -4.67077148 1.79972656 -3.95092773 1.10644531 C-1.94311523 -0.22949219 -1.94311523 -0.22949219 0 0 Z " fill="#FDFDFD" transform="translate(1053.943115234375,2028.2294921875)"/>
<path d="M0 0 C-1.36610268 3.03726958 -2.93073807 5.20915026 -5.23046875 7.609375 C-5.86919922 8.28226563 -6.50792969 8.95515625 -7.16601562 9.6484375 C-7.83310547 10.34195312 -8.50019531 11.03546875 -9.1875 11.75 C-13.71059663 16.48462453 -18.15400436 21.25698521 -22.44360352 26.20507812 C-24.39324686 28.45351387 -26.38039736 30.666417 -28.375 32.875 C-29.51582031 34.13957031 -29.51582031 34.13957031 -30.6796875 35.4296875 C-31.44539062 36.27789063 -32.21109375 37.12609375 -33 38 C-34.50028679 39.66640851 -36.00028872 41.33307353 -37.5 43 C-46.5 53 -55.5 63 -64.5 73 C-65.23992188 73.82242187 -65.97984375 74.64484375 -66.7421875 75.4921875 C-68.26708244 77.18592894 -69.79315402 78.87861169 -71.3203125 80.5703125 C-74.69912708 84.31564256 -78.06895965 88.06518207 -81.375 91.875 C-84.82716078 95.84097076 -88.38750881 99.70517646 -91.94824219 103.57324219 C-95.10697965 107.0102442 -98.20638336 110.49021321 -101.265625 114.015625 C-105.57852341 118.95020246 -109.99932809 123.790789 -114.3984375 128.6484375 C-118.35821887 133.0291923 -122.26696309 137.42401927 -126 142 C-127.36790377 137.8962887 -126.76404585 134.13727901 -126.3984375 129.8984375 C-126.32177353 128.94600159 -126.24510956 127.99356567 -126.16612244 127.01226807 C-125.99695649 124.91286676 -125.82521252 122.81367206 -125.65127563 120.71466064 C-125.17107096 114.9098757 -124.71154341 109.10347715 -124.25390625 103.296875 C-124.10428688 101.40124313 -124.10428688 101.40124313 -123.9516449 99.46731567 C-123.12119286 88.8209948 -122.37420421 78.16981433 -121.65234375 67.515625 C-121.59641304 66.69099888 -121.54048233 65.86637276 -121.48285675 65.01675797 C-120.92370731 56.76310307 -120.37072093 48.50904724 -119.82327557 40.25460815 C-119.61662125 37.14695093 -119.40772461 34.03944685 -119.19839668 30.93196869 C-119.05448355 28.78187567 -118.91390316 26.63158175 -118.77342224 24.48126221 C-118.64254967 22.53881622 -118.64254967 22.53881622 -118.5090332 20.55712891 C-118.43449417 19.43045807 -118.35995514 18.30378723 -118.28315735 17.14297485 C-118.00508988 14.05649638 -117.55103212 11.04851879 -117 8 C-110.41631999 6.91195586 -103.81600723 6.53901639 -97.16015625 6.1328125 C-95.90082779 6.05346466 -94.64149933 5.97411682 -93.3440094 5.8923645 C-90.64706445 5.72245167 -87.95008198 5.55341134 -85.25299072 5.38586426 C-78.22940715 4.94926125 -71.20641347 4.50339392 -64.18359375 4.0546875 C-63.48658356 4.01020477 -62.78957336 3.96572205 -62.07144165 3.91989136 C-47.96580747 3.01746659 -33.87108785 1.9890862 -19.78149414 0.86376953 C-19.02811264 0.80462372 -18.27473114 0.74547791 -17.4985199 0.68453979 C-15.53086009 0.52973148 -13.5635085 0.37101837 -11.59619141 0.21191406 C-7.71513003 -0.01678664 -3.88680949 -0.03537849 0 0 Z " fill="#FDFDFD" transform="translate(1026,1428)"/>
<path d="M0 0 C3.86140222 1.43405845 7.29785785 3.23146925 10.84765625 5.31640625 C11.40775391 5.64442734 11.96785156 5.97244843 12.54492188 6.31040955 C14.38637654 7.39064276 16.22456055 8.47629818 18.0625 9.5625 C19.36317156 10.32817309 20.66387192 11.09379727 21.96459961 11.859375 C34.20584412 19.07691876 46.35212403 26.44866874 58.48095703 33.85302734 C63.8868688 37.15252428 69.30001378 40.44011592 74.71343994 43.7272644 C76.47720668 44.79865433 78.24035703 45.87105264 80.00341797 46.94360352 C85.37624928 50.20993792 90.75827886 53.45903348 96.16796875 56.6640625 C97.10640625 57.2211792 98.04484375 57.7782959 99.01171875 58.35229492 C100.74728528 59.38049141 102.48542441 60.4043625 104.2265625 61.4230957 C104.98066406 61.86999756 105.73476562 62.31689941 106.51171875 62.77734375 C107.16615967 63.16140381 107.82060059 63.54546387 108.49487305 63.94116211 C110 65 110 65 111 67 C110.5160067 69.00183658 109.93182295 70.97969773 109.3046875 72.94140625 C108.92054688 74.15779785 108.53640625 75.37418945 108.140625 76.62744141 C107.71879167 77.93914101 107.29691592 79.25082696 106.875 80.5625 C106.24508738 82.54812863 105.61783082 84.53458302 104.99078369 86.52111816 C104.57538241 87.83672497 104.15916447 89.1520742 103.74212646 90.46716309 C101.68792546 96.95292425 99.76805637 103.47374258 97.875 110.0078125 C97.28757936 112.0165813 96.66183194 114.01450419 96 116 C91.45653541 114.58713299 87.20565499 112.78492445 82.92578125 110.7265625 C81.53500589 110.06572912 80.14421759 109.40492296 78.75341797 108.74414062 C78.02910583 108.39843018 77.3047937 108.05271973 76.55853271 107.6965332 C64.89995641 102.13448082 53.20330193 96.69196091 41.375 91.5 C33.86351114 88.19842597 26.43716763 84.82332686 19.13793945 81.07617188 C12.86129102 77.87415246 6.46462945 74.94129723 0.0625 72 C-1.05382813 71.48646973 -2.17015625 70.97293945 -3.3203125 70.44384766 C-7.48312208 68.5303966 -11.64668941 66.61864285 -15.81347656 64.71386719 C-18.23247178 63.60656145 -20.6478897 62.49182641 -23.0625 61.375 C-24.11522095 60.89740234 -24.11522095 60.89740234 -25.18920898 60.41015625 C-29.88606912 58.22786176 -29.88606912 58.22786176 -31 56 C-30.25 54.18188477 -30.25 54.18188477 -29 51.94140625 C-28.53207031 51.09328369 -28.06414062 50.24516113 -27.58203125 49.37133789 C-26.79892578 47.98096313 -26.79892578 47.98096313 -26 46.5625 C-25.46761719 45.6027124 -24.93523437 44.6429248 -24.38671875 43.65405273 C-23.22351184 41.5591104 -22.05666602 39.46618557 -20.88671875 37.375 C-18.91542309 33.84870715 -16.9562161 30.31591895 -15 26.78125 C-4.45671926 7.74354972 -4.45671926 7.74354972 0 0 Z " fill="#FDFDFD" transform="translate(1087,2364)"/>
<path d="M0 0 C0.82398287 4.67220768 1.64147759 9.34549381 2.45361328 14.01977539 C2.729284 15.6014481 3.00656307 17.18284155 3.28564453 18.76391602 C5.23419026 29.81153719 6.80801985 40.8449488 8 52 C6.8567627 52.48130371 5.71352539 52.96260742 4.53564453 53.45849609 C-15.84646476 62.04169049 -36.22079431 70.6417513 -56.543396 79.36508179 C-59.17463438 80.49447774 -61.80625796 81.62297159 -64.43798828 82.7512207 C-71.37978341 85.72776632 -78.32111649 88.70523211 -85.25508118 91.69998169 C-88.25131576 92.99231578 -91.25094493 94.27672778 -94.25 95.5625 C-95.27891357 96.00980469 -96.30782715 96.45710938 -97.36791992 96.91796875 C-98.3035376 97.31757812 -99.23915527 97.7171875 -100.203125 98.12890625 C-100.99364258 98.46994385 -101.78416016 98.81098145 -102.59863281 99.16235352 C-105.37511522 100.13084794 -108.09334332 100.58765422 -111 101 C-123.19054388 70.12336351 -123.19054388 70.12336351 -128 57 C-128.23976563 56.35305176 -128.47953125 55.70610352 -128.7265625 55.03955078 C-129.44814174 53.09081212 -130.16269651 51.1396457 -130.875 49.1875 C-131.48988281 47.50720703 -131.48988281 47.50720703 -132.1171875 45.79296875 C-133 43 -133 43 -133 40 C-121.88519373 36.22414106 -110.76303543 32.55993728 -99.484375 29.3046875 C-94.26552612 27.79644488 -89.07062838 26.21107969 -83.875 24.625 C-82.90320801 24.32851562 -81.93141602 24.03203125 -80.93017578 23.7265625 C-78.94394286 23.12033848 -76.95777793 22.51389166 -74.97167969 21.90722656 C-70.14879294 20.43484346 -65.32433436 18.96763149 -60.5 17.5 C-58.58332544 16.91669259 -56.66665879 16.33335923 -54.75 15.75 C-50.91666667 14.58333333 -47.08333333 13.41666667 -43.25 12.25 C-42.29963867 11.96068604 -41.34927734 11.67137207 -40.37011719 11.37329102 C-38.46989231 10.79510929 -36.56950384 10.2174649 -34.66894531 9.64038086 C-29.62418747 8.10779071 -24.58331524 6.56363167 -19.546875 5.00390625 C-18.49306641 4.6790625 -17.43925781 4.35421875 -16.35351562 4.01953125 C-14.32511749 3.39403403 -12.29772458 2.76526518 -10.27148438 2.1328125 C-9.36205078 1.85308594 -8.45261719 1.57335938 -7.515625 1.28515625 C-6.71415039 1.03644775 -5.91267578 0.78773926 -5.08691406 0.53149414 C-3 0 -3 0 0 0 Z " fill="#FDFDFD" transform="translate(1245,1578)"/>
<path d="M0 0 C3.91232372 0.52520792 7.73642322 1.0879047 11.5546875 2.09375 C12.39902344 2.31466309 13.24335937 2.53557617 14.11328125 2.76318359 C15.02464844 3.00633301 15.93601562 3.24948242 16.875 3.5 C17.86113281 3.75990723 18.84726563 4.01981445 19.86328125 4.28759766 C29.29306477 6.78498983 38.69918743 9.37005663 48.10574341 11.95327759 C58.4827278 14.80169436 68.88451034 17.53240956 79.3125 20.1875 C90.97392402 23.16009202 102.51844193 26.39580103 114 30 C111.02446915 32.33925655 107.96550263 34.22061244 104.65234375 36.046875 C103.58628906 36.63662109 102.52023437 37.22636719 101.421875 37.83398438 C99.69710938 38.78241211 99.69710938 38.78241211 97.9375 39.75 C96.7250848 40.419604 95.51284828 41.0895316 94.30078125 41.75976562 C91.78307975 43.15164549 89.26461582 44.54213099 86.74560547 45.93164062 C80.98984552 49.10807665 75.24551926 52.30509129 69.5 55.5 C67.25005383 56.75009689 65.00005365 58.00009658 62.75 59.25 C61.63625 59.86875 60.5225 60.4875 59.375 61.125 C22.25 81.75 22.25 81.75 18.87451172 83.62524414 C16.62610861 84.87437505 14.37773618 86.12356119 12.12939453 87.37280273 C6.4802133 90.51155491 0.8304904 93.64932443 -4.8203125 96.78515625 C-19.89999212 105.15508501 -34.95861361 113.56147728 -50 122 C-51 120 -51 120 -50.42636108 118.11509705 C-49.93179916 116.95778831 -49.93179916 116.95778831 -49.42724609 115.77709961 C-48.86695709 114.45023132 -48.86695709 114.45023132 -48.29534912 113.09655762 C-47.87561829 112.12496704 -47.45588745 111.15337646 -47.0234375 110.15234375 C-46.59049377 109.13346069 -46.15755005 108.11457764 -45.71148682 107.06481934 C-44.27343209 103.68581976 -42.82426601 100.31170446 -41.375 96.9375 C-40.37482938 94.59346138 -39.37532521 92.24913828 -38.37646484 89.90454102 C-35.77716164 83.80908399 -33.16826908 77.71779658 -30.5559082 71.62792969 C-29.04298468 68.10022789 -27.53185829 64.57176281 -26.02148438 61.04296875 C-18.59536927 43.69316164 -18.59536927 43.69316164 -15.05615234 35.45874023 C-9.9860382 23.66045972 -4.96459881 11.84308395 0 0 Z " fill="#FDFDFD" transform="translate(1185,1091)"/>
<path d="M0 0 C14.95866683 -0.13595977 29.87275866 0.29091982 44.8203125 0.83984375 C47.26023656 0.92732941 49.70016795 1.0146109 52.1401062 1.10169983 C57.21458081 1.28360251 62.28895956 1.46793449 67.36328125 1.65405273 C73.85117141 1.89182239 80.33926443 2.123437 86.82744026 2.3532629 C91.84962877 2.5318331 96.87169657 2.71362877 101.89373398 2.89639473 C104.28659385 2.9830953 106.67948979 3.06880644 109.07242203 3.15348625 C112.41185425 3.27214556 115.75109933 3.39515545 119.09033203 3.51928711 C120.06605667 3.55309479 121.04178131 3.58690247 122.04707336 3.62173462 C127.74269652 3.83887274 133.34236593 4.30363163 139 5 C138.20524247 10.01379786 137.40543905 15.02675778 136.60131836 20.0390625 C136.32948441 21.73774404 136.05893636 23.43663196 135.78979492 25.13574219 C134.14676356 35.50183205 132.31091528 45.75872485 130 56 C117.1010382 57.43703304 104.2086027 58.5737157 91.26171875 59.47265625 C89.43909218 59.60163902 87.61648619 59.73091286 85.79389954 59.86045837 C81.05353261 60.19663455 76.31290475 60.52897323 71.57220459 60.8604126 C66.76867439 61.19692294 61.96540278 61.53708248 57.16210938 61.87695312 C51.74345704 62.260099 46.32477923 62.64286259 40.90592957 63.02320862 C40.08539502 63.08080573 39.26486048 63.13840284 38.41946125 63.19774532 C36.82745208 63.30934287 35.23542612 63.42070135 33.64338207 63.53180027 C30.07120992 63.78156888 26.499499 64.03553091 22.92861938 64.30319214 C21.7002536 64.39448395 20.47188782 64.48577576 19.20629883 64.57983398 C18.15299881 64.65983139 17.09969879 64.7398288 16.01448059 64.82225037 C11.34197954 65.09776561 6.67834718 65.08592883 2 65 C1.19859926 55.6703188 0.72305764 46.35890232 0.4375 37 C0.41632111 36.33233612 0.39514221 35.66467224 0.37332153 34.97677612 C0.04906399 24.68171422 -0.10815597 14.39456121 -0.03076172 4.09410095 C-0.02503143 3.32641356 -0.01930115 2.55872618 -0.01339722 1.76777554 C-0.00897614 1.18440961 -0.00455505 0.60104368 0 0 Z " fill="#FDFDFD" transform="translate(1318,1329)"/>
<path d="M0 0 C10.08963022 3.47471594 20.06996452 7.15399072 29.99682617 11.07055664 C38.46224097 14.40749021 46.95036652 17.68223564 55.44567871 20.94204712 C57.88789856 21.87995354 60.32932492 22.8198962 62.77050781 23.76049805 C71.48728936 27.11822658 80.20884976 30.46244638 88.94113159 33.7796936 C93.4747555 35.50428461 98.0047757 37.23821345 102.53424072 38.97369385 C104.75806438 39.82328509 106.98344973 40.66879996 109.21038818 41.51019287 C112.32922689 42.68914277 115.44240317 43.88199971 118.5546875 45.078125 C119.96899048 45.60688736 119.96899048 45.60688736 121.41186523 46.14633179 C122.69661743 46.64479111 122.69661743 46.64479111 124.00732422 47.15332031 C125.13326492 47.58176239 125.13326492 47.58176239 126.2819519 48.01885986 C128 49 128 49 129 52 C127.77172852 54.78051758 127.77172852 54.78051758 125.87890625 58.14453125 C125.54132797 58.75076828 125.20374969 59.35700531 124.85594177 59.98161316 C123.76754835 61.93069684 122.66526058 63.87151598 121.5625 65.8125 C120.85390265 67.0769616 120.14621095 68.34193117 119.43945312 69.60742188 C114.68351647 78.10389059 109.84113382 86.55187482 105 95 C96.57605249 93.90377904 88.69623356 91.85226975 80.5612793 89.45898438 C73.62060261 87.42965398 66.64583456 85.60562743 59.625 83.875 C58.59971191 83.62194092 57.57442383 83.36888184 56.51806641 83.1081543 C54.54980883 82.62237903 52.5815473 82.1366198 50.61328125 81.65087891 C45.45821015 80.36692715 40.32978773 78.98775706 35.20263672 77.59667969 C32.543505 76.87633853 29.88311134 76.16075054 27.22265625 75.4453125 C21.66185191 73.94979956 16.10160332 72.4522329 10.54150391 70.95410156 C4.48621676 69.32277231 -1.5694104 67.69270609 -7.625 66.0625 C-9.82552234 65.47005767 -12.02604331 64.87761028 -14.2265625 64.28515625 C-15.15033691 64.03644775 -16.07411133 63.78773926 -17.02587891 63.53149414 C-18.00306885 63.26840454 -18.00306885 63.26840454 -19 63 C-17.73863345 56.93545196 -16.19634388 51.0301115 -14.35546875 45.1171875 C-13.97797234 43.89118332 -13.97797234 43.89118332 -13.59284973 42.64041138 C-13.06251222 40.92056558 -12.53048139 39.2012411 -11.99682617 37.48242188 C-11.19636443 34.90355871 -10.40143624 32.32304213 -9.60742188 29.7421875 C-6.53458739 19.78280584 -3.3488474 9.87018885 0 0 Z " fill="#FDFDFD" transform="translate(1607,1122)"/>
<path d="M0 0 C0.37769531 0.97453125 0.75539063 1.9490625 1.14453125 2.953125 C1.70045161 4.38544354 2.25644858 5.81773234 2.8125 7.25 C3.11293213 8.02472656 3.41336426 8.79945313 3.72290039 9.59765625 C5.7672452 14.85930576 7.83367374 20.11188412 9.9140625 25.359375 C10.67039021 27.27087886 11.42646105 29.18248413 12.1824646 31.09411621 C12.68614298 32.36551681 13.19104817 33.63643209 13.69717407 34.90686035 C14.41443115 36.70753473 15.12722951 38.50998318 15.83984375 40.3125 C16.25613037 41.36050781 16.67241699 42.40851562 17.10131836 43.48828125 C18 46 18 46 18 48 C4.52251406 51.45975908 -8.98199356 54.70621755 -22.57543945 57.67822266 C-30.91133104 59.51063819 -39.20898921 61.47477415 -47.5 63.5 C-57.99496596 66.06221057 -68.51132873 68.48475207 -79.06665039 70.78540039 C-84.76530829 72.03418427 -90.44281988 73.33835317 -96.10546875 74.7421875 C-97.25241211 75.02570068 -98.39935547 75.30921387 -99.58105469 75.60131836 C-101.76736568 76.14598778 -103.95174301 76.69849791 -106.13378906 77.26000977 C-107.10928711 77.50291748 -108.08478516 77.7458252 -109.08984375 77.99609375 C-109.94441162 78.21450928 -110.79897949 78.4329248 -111.67944336 78.65795898 C-114.12297445 79.01812596 -115.67503533 78.77275322 -118 78 C-118.22042969 76.46085937 -118.22042969 76.46085937 -118.4453125 74.890625 C-119.70942282 66.22188389 -121.05895608 57.57264125 -122.53515625 48.9375 C-122.73773041 47.74685944 -122.73773041 47.74685944 -122.94439697 46.53216553 C-123.49375735 43.3045209 -124.04310792 40.07695558 -124.60626221 36.85168457 C-125.00759843 34.55311714 -125.40084956 32.25328011 -125.79296875 29.953125 C-125.91470963 29.27032471 -126.0364505 28.58752441 -126.16188049 27.8840332 C-126.95443261 23.17876276 -127.10231885 18.75103816 -127 14 C-126.42182022 13.93371399 -125.84364044 13.86742798 -125.24794006 13.7991333 C-91.270946 9.91600842 -91.270946 9.91600842 -57.3125 5.875 C-56.0447876 5.72095703 -54.7770752 5.56691406 -53.47094727 5.40820312 C-47.40713714 4.66860943 -41.34467509 3.9191279 -35.28373718 3.15640259 C-32.25310695 2.77585468 -29.22196997 2.39944076 -26.19076538 2.02349854 C-24.75611581 1.84439467 -23.32171576 1.66327792 -21.88760376 1.47991943 C-14.54272536 0.54084922 -7.40806567 -0.22744061 0 0 Z " fill="#FDFDFD" transform="translate(1595,2902)"/>
<path d="M0 0 C2.32983398 1.0246582 2.32983398 1.0246582 4.74609375 2.30078125 C6.10951904 3.01584839 6.10951904 3.01584839 7.50048828 3.74536133 C8.46970215 4.26251709 9.43891602 4.77967285 10.4375 5.3125 C11.9531958 6.11240356 11.9531958 6.11240356 13.49951172 6.9284668 C23.24733477 12.08992472 32.92654626 17.37715973 42.59570312 22.68408203 C47.71446503 25.48567897 52.8566191 28.2439242 58 31 C57.40971943 35.07293594 55.13484793 37.90602913 52.75 41.125 C52.30889893 41.73118164 51.86779785 42.33736328 51.41333008 42.96191406 C50.45255879 44.28199684 49.48931928 45.60028591 48.52392578 46.91699219 C46.43842237 49.76760338 44.37460282 52.63363381 42.30981445 55.49926758 C40.65940749 57.7889744 39.00585149 60.07637789 37.3515625 62.36328125 C35.15548737 65.39993186 32.96278675 68.4389656 30.7734375 71.48046875 C23.47886055 81.6094211 16.10126261 91.67432142 8.68554688 101.71484375 C5.99156739 105.3671682 3.30770984 109.02689346 0.625 112.6875 C0.15433105 113.32969482 -0.31633789 113.97188965 -0.80126953 114.63354492 C-1.86770038 116.08889268 -2.93388223 117.54442288 -4 119 C-7.35927769 117.88024077 -7.80914756 117.26397398 -9.79296875 114.484375 C-10.33260254 113.73841064 -10.87223633 112.99244629 -11.42822266 112.22387695 C-12.00878418 111.40749756 -12.5893457 110.59111816 -13.1875 109.75 C-14.44759918 108.00794194 -15.70938135 106.26710027 -16.97265625 104.52734375 C-17.63152832 103.61839355 -18.29040039 102.70944336 -18.96923828 101.77294922 C-22.2907877 97.23746493 -25.70659298 92.77518092 -29.125 88.3125 C-33.77763632 82.22858141 -38.41575455 76.13564277 -43 70 C-49.73038227 60.99452594 -56.55673446 52.06227156 -63.38110352 43.12792969 C-63.91533936 42.42571289 -64.4495752 41.72349609 -65 41 C-65.56452881 40.31067383 -66.12905762 39.62134766 -66.71069336 38.91113281 C-68 37 -68 37 -68 34 C-67.39341553 33.67427002 -66.78683105 33.34854004 -66.16186523 33.01293945 C-54.71701933 26.85957721 -43.30582815 20.65584122 -32 14.25 C-31.0519751 13.71463623 -30.1039502 13.17927246 -29.12719727 12.62768555 C-24.78825539 10.17195842 -20.46652564 7.69413789 -16.1796875 5.1484375 C-15.07947266 4.50406738 -15.07947266 4.50406738 -13.95703125 3.84667969 C-12.61645555 3.06006609 -11.28246768 2.26205887 -9.95703125 1.45019531 C-6.09944681 -0.79864924 -4.24935032 -1.19761316 0 0 Z " fill="#FDFDFD" transform="translate(2073,713)"/>
<path d="M0 0 C9.52486627 2.42833208 18.81277726 5.49463744 28.13671875 8.5859375 C29.78651255 9.13046054 31.43640154 9.67469523 33.08638 10.21865845 C37.40951801 11.64457115 41.73160976 13.07362674 46.05340576 14.50360107 C52.94936662 16.78489109 59.8467059 19.06200381 66.74445534 21.33787918 C69.12405123 22.12361732 71.50306392 22.91110029 73.88200378 23.69882202 C81.77296633 26.30747526 89.67823975 28.85733025 97.61547089 31.32178974 C102.20421621 32.74703156 106.77026721 34.22143955 111.32421875 35.75390625 C112.00321732 35.98150131 112.68221588 36.20909637 113.38179016 36.44358826 C115.48421495 37.14835079 117.58595184 37.85512814 119.6875 38.5625 C122.48244154 39.50319544 125.27812098 40.44165386 128.07421875 41.37890625 C129.28682373 41.7869751 130.49942871 42.19504395 131.7487793 42.61547852 C135.09656393 43.72230465 138.46351697 44.75667959 141.83666992 45.78344727 C149.58800459 48.15810668 157.2830783 50.6950845 164.97981644 53.23981857 C167.60685513 54.1083506 170.23443856 54.97521731 172.8621521 55.84170532 C178.45024333 57.68469838 184.03766368 59.52971977 189.625 61.375 C196.09112885 63.51042861 202.55754926 65.64496731 209.02460861 67.77757645 C211.57627469 68.6194728 214.12746073 69.46281144 216.67861938 70.3062439 C225.6075314 73.2537349 234.55350091 76.13829215 243.52359676 78.95803833 C248.94203 80.66194409 254.34585818 82.40262961 259.73046875 84.2109375 C260.50264236 84.46880035 261.27481598 84.72666321 262.07038879 84.99234009 C264.44324992 85.78510182 266.81539251 86.5799865 269.1875 87.375 C270.83523827 87.92592541 272.48302459 88.4767071 274.13085938 89.02734375 C278.08779132 90.34991912 282.04408268 91.67439304 286 93 C286 93.33 286 93.66 286 94 C265.24122481 94.37541025 244.48301689 94.65670322 223.72152424 94.82899475 C214.07922034 94.91115633 204.43903717 95.02295464 194.7980957 95.20703125 C186.38511379 95.36758422 177.97366865 95.46997901 169.55919713 95.50541592 C165.11154994 95.52610268 160.6682948 95.57393158 156.22207069 95.69168091 C123.14156757 96.53373566 123.14156757 96.53373566 109.39028645 84.22743225 C107.95356907 82.84851821 106.5328668 81.45268377 105.13031578 80.03903198 C101.55741078 76.61922557 97.53176964 73.84752267 93.5 71 C85.86572476 65.42307948 78.34330045 59.70704228 70.8359375 53.9609375 C65.10097273 49.57935674 59.32240437 45.26457042 53.5 41 C45.88491788 35.42239805 38.36575389 29.72834604 30.87329102 23.98730469 C23.99981634 18.73145734 17.05059321 13.58585242 10.0390625 8.515625 C9.30300781 7.979375 8.56695313 7.443125 7.80859375 6.890625 C7.16720459 6.42688477 6.52581543 5.96314453 5.86499023 5.48535156 C3.74702883 3.79852381 1.90124293 1.92519465 0 0 Z " fill="#FDFDFD" transform="translate(1551,3206)"/>
<path d="M0 0 C5.0286582 1.53535091 9.63010464 3.61844131 14.3515625 5.89453125 C15.15453766 6.27797195 15.95751282 6.66141266 16.78482056 7.05647278 C18.50523899 7.87832325 20.22493501 8.7016874 21.94396973 9.52642822 C26.48774251 11.70604477 31.03704566 13.87406133 35.5859375 16.04296875 C36.48989258 16.47428101 37.39384766 16.90559326 38.32519531 17.34997559 C45.61145565 20.82337203 52.92162597 24.24123826 60.25 27.625 C70.3876478 32.31151495 80.50328452 37.04279275 90.60437012 41.80755615 C92.17420601 42.54799875 93.74426632 43.28796579 95.3145752 44.02740479 C104.26634589 48.24374834 113.17586186 52.52098479 122 57 C116.32959923 70.02092029 110.20729276 82.77635075 103.78662109 95.44042969 C101.02339256 100.9020331 98.30238514 106.32685676 96 112 C92.00654374 111.41753695 89.24622101 110.18173635 85.81640625 108.078125 C84.81859131 107.47194336 83.82077637 106.86576172 82.79272461 106.24121094 C81.72675049 105.58411133 80.66077637 104.92701172 79.5625 104.25 C77.86001745 103.2142076 76.15752737 102.17842693 74.45429993 101.14385986 C73.29887357 100.44159771 72.14399958 99.73842597 70.9896698 99.03436279 C65.83426971 95.89024337 60.64229133 92.81140944 55.4375 89.75 C53.64569411 88.69294429 51.85403323 87.63564275 50.0625 86.578125 C49.11117187 86.01673828 48.15984375 85.45535156 47.1796875 84.87695312 C11.92483075 64.06619309 11.92483075 64.06619309 -1.70800781 55.52197266 C-6.00988365 52.82960075 -10.33803986 50.20044358 -14.72265625 47.64453125 C-15.65883789 47.09595459 -16.59501953 46.54737793 -17.55957031 45.98217773 C-19.35420505 44.93445864 -21.15413419 43.8957404 -22.95996094 42.86743164 C-24.14960449 42.17121704 -24.14960449 42.17121704 -25.36328125 41.4609375 C-26.41962769 40.85451416 -26.41962769 40.85451416 -27.49731445 40.23583984 C-27.99320068 39.8280127 -28.48908691 39.42018555 -29 39 C-29 34.88777981 -26.863196 32.92541824 -24.375 29.875 C-23.891521 29.27115479 -23.40804199 28.66730957 -22.90991211 28.04516602 C-17.69047524 21.55197234 -12.38092517 15.13028162 -7.06640625 8.71484375 C-4.68097184 5.83326227 -2.32510435 2.93065978 0 0 Z " fill="#FDFDFD" transform="translate(2292,3013)"/>
<path d="M0 0 C2.38684015 2.95412577 3.95403009 5.84811297 5.453125 9.33203125 C5.90816406 10.37939453 6.36320312 11.42675781 6.83203125 12.50585938 C7.53392578 14.14264648 7.53392578 14.14264648 8.25 15.8125 C11.20784083 22.66778066 14.20338647 29.49628078 17.37890625 36.25390625 C21.25280549 44.49810272 24.97697435 52.80624089 28.6875 61.125 C29.41221936 62.74750079 30.13699293 64.36997736 30.86181641 65.99243164 C36.87954579 79.46817461 42.878694 92.95221356 48.875 106.4375 C49.3110556 107.41793274 49.74711121 108.39836548 50.19638062 109.4085083 C51.44137239 112.20829001 52.68566034 115.00838332 53.9296875 117.80859375 C54.29772995 118.63619705 54.6657724 119.46380035 55.04496765 120.31648254 C55.72484973 121.84773878 56.40083829 123.38073198 57.07220459 124.91574097 C57.66482323 126.24703744 58.27839061 127.56933276 58.91851807 128.87844849 C62.82194944 137.09047573 60.38708235 144.64116187 58.40234375 153.0625 C58.13270813 154.23396072 57.86307251 155.40542145 57.58526611 156.61238098 C56.70962633 160.40989858 55.82354556 164.20489823 54.9375 168 C54.3313755 170.61768805 53.72771393 173.23594148 53.12426758 175.85424805 C51.94374502 180.97313996 50.75946326 186.09114778 49.57226562 191.20849609 C47.74983633 199.07039331 45.95906618 206.93899254 44.1875 214.8125 C43.92509521 215.97442871 43.66269043 217.13635742 43.39233398 218.33349609 C41.92807769 224.82928775 40.48356732 231.32924385 39.05078125 237.83203125 C35.96680555 251.82400802 32.87996441 265.8160034 29.58007812 279.75897217 C29.13413053 281.64880668 28.69588967 283.54045448 28.2578125 285.43212891 C27.9896875 286.55151855 27.7215625 287.6709082 27.4453125 288.82421875 C27.21344238 289.80479248 26.98157227 290.78536621 26.74267578 291.7956543 C26 294 26 294 24 295 C17.0518429 219.94063736 17.0518429 219.94063736 14.875 191.4375 C14.79879425 190.44053101 14.7225885 189.44356201 14.64407349 188.41638184 C14.33542428 184.37439019 14.0269281 180.33238695 13.71894836 176.29034424 C12.76518158 163.83475068 11.72781798 151.38611553 10.6875 138.9375 C10.58697327 137.73324371 10.48644653 136.52898743 10.38287354 135.28823853 C8.99434435 118.67360262 7.58063826 102.06114828 6.16015625 85.44921875 C6.08116781 84.52523474 6.00217937 83.60125072 5.92079735 82.6492672 C5.13252123 73.42880913 4.34348529 64.20841819 3.5506506 54.98835087 C3.25425977 51.53982553 2.95863113 48.09123509 2.66312981 44.64263344 C2.52575788 43.04175013 2.38803242 41.44089711 2.24991035 39.84007835 C-0.20839266 11.34582276 -0.20839266 11.34582276 0 0 Z " fill="#FCFCFC" transform="translate(3289,1829)"/>
<path d="M0 0 C3.29900172 3.07199557 5.70785964 6.33684651 8.18359375 10.09765625 C8.58731705 10.7074382 8.99104034 11.31722015 9.40699768 11.94548035 C10.28885078 13.27822588 11.16864669 14.61233437 12.04663086 15.94763184 C14.47815692 19.64485748 16.92561832 23.33152381 19.37109375 27.01953125 C20.15762833 28.20692398 20.15762833 28.20692398 20.96005249 29.41830444 C28.17366953 40.29716196 35.4944674 51.10399523 42.80368042 61.91873169 C44.55704671 64.51324175 46.30996878 67.1080508 48.0625 69.703125 C48.92270752 70.97687233 48.92270752 70.97687233 49.80029297 72.27635193 C54.47939805 79.21240079 59.1178427 86.17506934 63.75038147 93.14227295 C67.24609011 98.39199102 70.77281537 103.61898244 74.3296814 108.82745361 C76.63414913 112.20370641 78.92735403 115.58752978 81.21948242 118.97216797 C82.3866353 120.68947661 83.55903062 122.40323155 84.73608398 124.11376953 C86.47217896 126.63955726 88.18893612 129.17753684 89.90234375 131.71875 C90.43230453 132.48014282 90.96226532 133.24153564 91.50828552 134.02600098 C95.02616615 139.29918917 95.02616615 139.29918917 94.89306641 142.86401367 C93.25691044 146.7772801 91.12949627 150.34163461 89 154 C81.22273826 152.62369763 73.48237254 151.10845047 65.75 149.5 C63.95212036 149.1272998 63.95212036 149.1272998 62.11791992 148.74707031 C47.44084024 145.69680201 32.78189522 142.55966177 18.12207031 139.42773438 C17.13182358 139.21638855 16.14157684 139.00504272 15.12132263 138.78729248 C13.26676027 138.39141537 11.41230962 137.99501442 9.55799866 137.59796143 C3.71454993 136.35087951 -2.13832156 135.15832886 -8 134 C-8.13928048 123.25430013 -7.72674935 112.63263453 -7.01171875 101.9140625 C-6.90729464 100.29641117 -6.8032597 98.67873468 -6.69958496 97.06103516 C-6.4246284 92.79123757 -6.14353154 88.52186649 -5.86089706 84.25257111 C-5.62865718 80.73332571 -5.40004007 77.21384847 -5.17133045 73.69437218 C-3.57337292 49.12052195 -1.90560483 24.55216386 0 0 Z " fill="#FDFDFD" transform="translate(839,2440)"/>
<path d="M0 0 C0.12431936 31.02740499 0.01599099 62.04519897 -0.40571976 93.06976318 C-0.43724915 95.41881049 -0.46732094 97.76787251 -0.49703979 100.11694336 C-0.90238997 131.78833711 -0.90238997 131.78833711 -2 147 C-8.66769039 147.11520205 -15.10792258 146.68910564 -21.73046875 145.94140625 C-22.72452225 145.8327977 -23.71857574 145.72418915 -24.74275208 145.61228943 C-26.8296474 145.38336856 -28.91629058 145.15213832 -31.00268555 144.91870117 C-34.18809698 144.56243323 -37.3742212 144.21322146 -40.56054688 143.86523438 C-42.59639933 143.64103469 -44.63220821 143.41643896 -46.66796875 143.19140625 C-47.6149614 143.08719864 -48.56195404 142.98299103 -49.53764343 142.87562561 C-54.05140206 142.36914496 -58.52779266 141.80836435 -63 141 C-62.40302828 131.40709919 -61.28620983 121.93813533 -60.01712036 112.415802 C-58.20804183 98.8139634 -56.53186358 85.20508806 -55.0625 71.5625 C-52.66582573 49.33992055 -49.81743183 27.17245452 -47 5 C-43.07184554 4.44522384 -39.14320283 3.89404862 -35.21411133 3.34594727 C-33.23428194 3.06904305 -31.25483103 2.78943694 -29.27539062 2.50976562 C-19.49476822 1.14790681 -9.88490893 -0.07190951 0 0 Z " fill="#FDFDFD" transform="translate(2798,2757)"/>
<path d="M0 0 C5.51628591 2.96365164 10.29816521 6.41345852 15.1875 10.3125 C21.66859519 15.41759643 28.19999921 20.44123276 34.8125 25.375 C41.82068776 30.60841803 48.79854626 35.87893325 55.75 41.1875 C62.44387704 46.29847703 69.15744902 51.38050993 75.90332031 56.42260742 C82.37176465 61.26417453 88.79143097 66.16919681 95.21386719 71.0715332 C100.54103196 75.13492968 105.88429186 79.17517037 111.25 83.1875 C113.15606469 84.61710972 115.06171556 86.0472695 116.96728516 87.47753906 C118.41581066 88.56245439 119.86621107 89.64486832 121.31787109 90.72558594 C123.69616698 92.49787605 126.06731134 94.27938807 128.4375 96.0625 C129.17838867 96.61123779 129.91927734 97.15997559 130.68261719 97.7253418 C131.36356445 98.24008057 132.04451172 98.75481934 132.74609375 99.28515625 C133.35122803 99.73769775 133.9563623 100.19023926 134.57983398 100.65649414 C136 102 136 102 137 105 C136.6953125 107.4453125 136.6953125 107.4453125 136.125 110.125 C135.85042969 111.45917969 135.85042969 111.45917969 135.5703125 112.8203125 C135 115 135 115 134 116 C131.54731278 116.38335752 129.10897495 116.7088012 126.64477539 116.99975586 C125.48823708 117.14145958 125.48823708 117.14145958 124.30833435 117.286026 C121.73859558 117.5997941 119.168153 117.90735191 116.59765625 118.21484375 C114.80370396 118.43247503 113.00979483 118.65046228 111.21592712 118.86878967 C106.46722987 119.44564568 101.71790155 120.01714329 96.96844482 120.58770752 C93.14563418 121.04786437 89.32329075 121.51183008 85.50096989 121.97603512 C80.88753414 122.53620061 76.27386913 123.09446603 71.66015625 123.65234375 C70.80165636 123.75622847 69.94315647 123.86011318 69.05864143 123.96714592 C57.37950871 125.37838858 45.69439128 126.72129097 34 128 C29.51576459 112.11102166 25.13917874 96.1967629 20.87060547 80.24853516 C20.01173694 77.04379465 19.14920718 73.84006558 18.28515625 70.63671875 C18.00140137 69.58468262 17.71764648 68.53264648 17.42529297 67.44873047 C17.14057129 66.39314941 16.85584961 65.33756836 16.5625 64.25 C14.67929669 57.26818625 12.80728884 50.28358916 10.95703125 43.29296875 C10.4357908 41.32549534 9.91437796 39.35806781 9.39279175 37.39068604 C8.880852 35.45957461 8.36925701 33.52837181 7.85766602 31.59716797 C5.82847611 23.97957807 3.73070003 16.39135458 1.37060547 8.86889648 C0.39230025 5.68876259 0 3.38948228 0 0 Z " fill="#FDFDFD" transform="translate(1022,2826)"/>
<path d="M0 0 C-0.62003906 0.43828125 -1.24007812 0.8765625 -1.87890625 1.328125 C-8.09169815 5.77746069 -14.08656071 10.42600218 -20.02978516 15.22583008 C-24.77207404 19.04518289 -29.5854837 22.75887609 -34.4375 26.4375 C-40.81588409 31.27897652 -47.06224695 36.25772975 -53.25708008 41.33129883 C-58.36601946 45.50800085 -63.56324093 49.55159148 -68.80859375 53.5546875 C-72.1263102 56.08858707 -75.40891466 58.66576919 -78.6875 61.25 C-84.86992987 66.12095251 -91.080164 70.95540649 -97.29614258 75.78344727 C-102.74148057 80.01520268 -108.17138132 84.26603823 -113.5859375 88.53710938 C-115.0548081 89.694565 -116.52724168 90.84749522 -118 92 C-118.52414993 92.52970901 -119.04829987 93.05941803 -119.58833313 93.60517883 C-123.36795183 95.79117402 -127.11192754 95.48638648 -131.40698242 95.52416992 C-132.36273666 95.54411514 -133.31849091 95.56406036 -134.3032074 95.58460999 C-137.48720968 95.64737386 -140.67112224 95.68907851 -143.85546875 95.73046875 C-146.10893258 95.76986966 -148.36237616 95.81044462 -150.61579895 95.85212708 C-155.37649883 95.93722183 -160.13721962 96.01276802 -164.89819336 96.08081055 C-170.841016 96.16579159 -176.78342531 96.26618337 -182.72588921 96.37312126 C-214.15194689 96.93635334 -245.56939031 97.11218627 -277 97 C-274.93362688 94.93362688 -273.81953131 94.41503127 -271.13061523 93.44702148 C-270.32963913 93.15556244 -269.52866302 92.86410339 -268.70341492 92.56381226 C-267.83062393 92.25271515 -266.95783295 91.94161804 -266.05859375 91.62109375 C-265.15224686 91.2930777 -264.24589996 90.96506165 -263.31208801 90.62710571 C-260.35576887 89.55861887 -257.39667197 88.49805738 -254.4375 87.4375 C-252.40638908 86.70486237 -250.37546482 85.97170706 -248.34472656 85.23803711 C-242.56560572 83.15183426 -236.78325293 81.07471573 -231 79 C-229.61928353 78.50428708 -228.23858453 78.00852547 -226.85791016 77.51269531 C-225.70468262 77.09858398 -224.55145508 76.68447266 -223.36328125 76.2578125 C-222.31567627 75.88156738 -221.26807129 75.50532227 -220.1887207 75.11767578 C-218.23831282 74.41736317 -216.2876314 73.71781187 -214.33666992 73.01904297 C-207.61375479 70.60390847 -200.92979463 68.09408419 -194.25 65.5625 C-184.57556109 61.90401254 -174.83040774 58.4919501 -165.04174805 55.15258789 C-154.92560335 51.6911268 -144.85937595 48.09881495 -134.7975769 44.48272705 C-120.76635249 39.44123671 -106.72031556 34.50141918 -92.55493164 29.84765625 C-81.48912747 26.19917815 -70.49496898 22.35576962 -59.5 18.5 C-45.3450174 13.5361532 -31.16908043 8.65587438 -16.91992188 3.96875 C-15.80423828 3.60136719 -14.68855469 3.23398438 -13.5390625 2.85546875 C-12.58209473 2.54246826 -11.62512695 2.22946777 -10.63916016 1.90698242 C-7.96683006 1.03094638 -7.96683006 1.03094638 -5.34130859 -0.1784668 C-3 -1 -3 -1 0 0 Z " fill="#FCFCFC" transform="translate(2630,3198)"/>
<path d="M0 0 C0.02558531 6.74030741 0.04296455 13.48060205 0.05493164 20.22094727 C0.05992641 22.50871244 0.06672451 24.79647449 0.07543945 27.08422852 C0.16597155 51.47996583 0.16597155 51.47996583 -1 62 C-32.20395216 61.56651199 -63.37806945 60.58645589 -94.5625 59.4375 C-95.51305393 59.40248257 -96.46360786 59.36746513 -97.44296646 59.33138657 C-109.2955588 58.89414265 -121.14789248 58.45018714 -133 58 C-134.13186552 54.68824874 -135.21275312 51.42155654 -135.96142578 48.00170898 C-136.12144073 47.27753281 -136.28145569 46.55335663 -136.44631958 45.80723572 C-136.61098724 45.04455887 -136.77565491 44.28188202 -136.9453125 43.49609375 C-137.12005096 42.69518814 -137.29478943 41.89428253 -137.474823 41.06910706 C-137.84120738 39.38441425 -138.20585261 37.69934236 -138.56884766 36.01391602 C-139.1242841 33.44081644 -139.68879423 30.86981777 -140.25390625 28.29882812 C-140.60992789 26.65636975 -140.96541491 25.01379538 -141.3203125 23.37109375 C-141.48902863 22.60639267 -141.65774475 21.84169159 -141.83157349 21.05381775 C-142.62901904 17.31316955 -143.20335055 13.82913824 -143 10 C-127.64031349 8.46180794 -112.27192327 7.22342783 -96.875 6.125 C-94.50903122 5.9547802 -92.14306447 5.78453216 -89.77709961 5.61425781 C-72.6825676 4.38835001 -55.58585544 3.19242932 -38.48760986 2.01947021 C-35.88481269 1.84078061 -33.28206934 1.6613051 -30.67938232 1.48101807 C-27.03774391 1.22930597 -23.39587286 0.98128745 -19.75390625 0.734375 C-18.67920578 0.65957916 -17.60450531 0.58478333 -16.49723816 0.50772095 C-10.98254594 0.13834534 -5.52701596 -0.07768815 0 0 Z " fill="#FCFCFC" transform="translate(2825,1305)"/>
<path d="M0 0 C11.34087012 0.01142919 22.68174105 0.01673831 34.02261555 0.02170354 C57.24335535 0.03199846 80.46408488 0.04944421 103.68481576 0.07202715 C101.3990104 2.35783251 99.93966875 2.79926415 96.88403451 3.7790584 C95.35335336 4.27768389 95.35335336 4.27768389 93.79174936 4.78638262 C92.66333627 5.14877031 91.53492319 5.51115801 90.37231576 5.88452715 C87.89870278 6.69295663 85.42587872 7.50338756 82.95434701 8.3181209 C82.29539438 8.53514665 81.63644174 8.75217241 80.95752084 8.97577471 C72.78370161 11.68145798 64.67517656 14.57189431 56.55981576 17.44702715 C44.45164618 21.73125155 32.31561712 25.91130332 20.12231576 29.94702715 C19.43170053 30.17562425 18.7410853 30.40422136 18.02954233 30.63974565 C17.34859506 30.86514024 16.6676478 31.09053484 15.96606576 31.32275957 C8.64426121 33.74708648 1.33556596 36.19993882 -5.94018424 38.75952715 C-6.69984488 39.02563799 -7.45950552 39.29174883 -8.24218619 39.56592363 C-12.62384634 41.10641324 -16.9913107 42.6823995 -21.35424674 44.27515215 C-23.42454351 45.01998751 -25.49485576 45.76477989 -27.56518424 46.50952715 C-28.99531851 47.04162798 -28.99531851 47.04162798 -30.45434439 47.58447832 C-31.36232779 47.90908037 -32.27031119 48.23368242 -33.20580924 48.5681209 C-34.000194 48.85872392 -34.79457877 49.14932695 -35.6130358 49.44873613 C-44.02722854 51.38959573 -50.73195474 48.97449705 -58.69409049 46.26733965 C-59.88660422 45.87254915 -61.07911795 45.47775865 -62.30776846 45.07100481 C-64.85224278 44.22697353 -67.39488663 43.37892513 -69.93539298 42.5231685 C-73.90295369 41.18673649 -77.87573974 39.86637256 -81.84960806 38.54883379 C-87.04131872 36.82639849 -92.23113525 35.0984213 -97.41967642 33.36646074 C-105.43099726 30.69579402 -113.46071915 28.08617406 -121.50268424 25.50952715 C-122.67009146 25.13408769 -123.83749869 24.75864824 -125.04028189 24.37183183 C-128.46482859 23.27058222 -131.88997014 22.17119897 -135.31518424 21.07202715 C-140.62838512 19.36587048 -145.94090085 17.65759181 -151.25268424 15.94702715 C-151.89548331 15.74006212 -152.53828238 15.53309709 -153.20056021 15.3198604 C-165.60138075 11.32453533 -177.96679786 7.22632806 -190.31518424 3.07202715 C-190.31518424 2.74202715 -190.31518424 2.41202715 -190.31518424 2.07202715 C-126.87943 0.07561756 -63.46062699 -0.06512793 0 0 Z " fill="#FCFCFC" transform="translate(2134.315184235573,3314.9279728531837)"/>
<path d="M0 0 C-1.28583984 1.37671875 -1.28583984 1.37671875 -2.59765625 2.78125 C-10.57656295 11.33437141 -10.57656295 11.33437141 -18.3359375 20.0859375 C-21.83292933 24.108299 -25.42859365 28.04379566 -29 32 C-30.50028679 33.66640851 -32.00028872 35.33307353 -33.5 37 C-36.5 40.33333333 -39.5 43.66666667 -42.5 47 C-43.23992187 47.82242188 -43.97984375 48.64484375 -44.7421875 49.4921875 C-46.26708244 51.18592894 -47.79315402 52.87861169 -49.3203125 54.5703125 C-52.69912708 58.31564256 -56.06895965 62.06518207 -59.375 65.875 C-62.82783819 69.841749 -66.38877381 73.70682669 -69.95043945 77.57543945 C-73.08517052 80.98598806 -76.15726302 84.44159116 -79.19140625 87.94140625 C-82.2777948 91.45442302 -85.44628778 94.89299818 -88.59765625 98.34765625 C-90.56941844 100.52460996 -92.51365337 102.71838674 -94.4375 104.9375 C-97.39883619 108.34688705 -100.44156852 111.67790175 -103.5 115 C-107.73912651 119.60606358 -111.90292526 124.26734087 -116 129 C-117.31176715 130.50064092 -118.62425786 132.00064969 -119.9375 133.5 C-120.52402344 134.1703125 -121.11054687 134.840625 -121.71484375 135.53125 C-122.13894531 136.0159375 -122.56304688 136.500625 -123 137 C-123.66 136.67 -124.32 136.34 -125 136 C-125.39839106 125.73107537 -125.78990144 115.46191109 -126.17345428 105.19242096 C-126.35189786 100.41998262 -126.53240659 95.64764419 -126.71826172 90.87548828 C-127.62416075 67.57173052 -128.2470493 44.32272064 -128 21 C-122.72970155 20.0594783 -117.45884525 19.12213713 -112.1875 18.1875 C-111.40613678 18.04894592 -110.62477356 17.91039185 -109.81973267 17.76763916 C-101.12020427 16.22734629 -92.42253718 14.70261672 -83.6875 13.375 C-76.3727478 12.26282983 -69.12037801 10.90212058 -61.85913086 9.484375 C-55.08821967 8.17440427 -48.30061979 7.04800654 -41.47851562 6.0390625 C-37.86049306 5.49490154 -34.29726726 4.86886908 -30.73046875 4.05078125 C-25.04599193 2.75006456 -19.31150705 1.78056988 -13.5625 0.8125 C-12.47517578 0.62236328 -11.38785156 0.43222656 -10.26757812 0.23632812 C-9.23181641 0.06166016 -8.19605469 -0.11300781 -7.12890625 -0.29296875 C-6.19119385 -0.4530542 -5.25348145 -0.61313965 -4.28735352 -0.77807617 C-2 -1 -2 -1 0 0 Z " fill="#FDFDFD" transform="translate(1435,974)"/>
<path d="M0 0 C4.0214144 1.55523567 7.54050496 3.41844224 11.2265625 5.66796875 C11.81488861 6.0258699 12.40321472 6.38377106 13.0093689 6.7525177 C14.25260498 7.50975664 15.49474291 8.26880113 16.73583984 9.02954102 C18.59636208 10.16994641 20.45993062 11.30521687 22.32421875 12.43945312 C29.60337421 16.87619902 36.8279319 21.39149028 44 26 C43.14774013 30.23866297 40.93862755 32.71290003 38.125 35.875 C34.0793567 40.53220949 30.16104498 45.25415915 26.375 50.125 C22.46355529 55.14459594 18.49264341 60.10499177 14.44921875 65.01953125 C11.43271512 68.69033232 8.43373843 72.37515091 5.4375 76.0625 C4.87305176 76.75714355 4.30860352 77.45178711 3.72705078 78.16748047 C0.17886874 82.53806818 -3.3468328 86.92571021 -6.85546875 91.328125 C-10.21267887 95.51087859 -13.60976919 99.66115907 -16.99853516 103.81835938 C-20.67528199 108.33998023 -24.29262061 112.90338527 -27.875 117.5 C-31.75755596 122.47989109 -35.74932316 127.32860771 -40 132 C-43.89878432 129.8670949 -46.73857869 127.44806999 -49.8125 124.25 C-53.34739563 120.5824737 -57.02313429 117.20391461 -60.86987305 113.87402344 C-65.24236099 110.02723633 -69.42464001 105.97329311 -73.64453125 101.9609375 C-78.33199347 97.52198791 -83.11517552 93.22041062 -88 89 C-83.50903918 83.61895349 -78.75790825 78.62042169 -73.79150391 73.67797852 C-72.59050049 72.47675606 -72.59050049 72.47675606 -71.36523438 71.25126648 C-68.73804239 68.62476696 -66.10733417 66.00181984 -63.4765625 63.37890625 C-61.6464591 61.55066939 -59.81657745 59.72221053 -57.98690796 57.89353943 C-53.67528872 53.5853384 -49.36145175 49.27936987 -45.04651296 44.97449392 C-40.13032954 40.06952459 -35.21701744 35.16168329 -30.30393338 30.25360978 C-20.20579313 20.16589545 -10.10408808 10.08175667 0 0 Z " fill="#FDFDFD" transform="translate(2194,3031)"/>
<path d="M0 0 C0.66 0 1.32 0 2 0 C3.80570357 2.44517123 5.48698078 4.8975227 7.14453125 7.44140625 C7.66187836 8.22306152 8.17922546 9.0047168 8.71224976 9.81005859 C9.83203357 11.50348058 10.94868567 13.19897658 12.06259155 14.89627075 C14.41407265 18.47907971 16.78033815 22.05202545 19.14601135 25.62547302 C20.35057411 27.44525468 21.55437459 29.26554113 22.75743103 31.08631897 C28.17653829 39.2843587 33.66471105 47.43404895 39.1875 55.5625 C39.61671753 56.19440247 40.04593506 56.82630493 40.48815918 57.47735596 C42.16072165 59.93928613 43.83364356 62.40096981 45.50793457 64.86172485 C48.08458003 68.64919846 50.65056961 72.44367882 53.2109375 76.2421875 C72.0690179 104.17079837 92.76331796 131.75179451 120.30371094 151.76123047 C122.10882508 153.07947301 123.88683545 154.42958869 125.6640625 155.78515625 C133.11666193 161.42148664 140.76935879 166.4450292 148.85546875 171.125 C151.3832706 172.63226073 153.69970215 174.17346076 156 176 C110.47850988 171.35712821 63.73478858 145.1092597 31 114 C29.6105999 112.78427491 28.21518409 111.57537389 26.8125 110.375 C19.95864 104.38483781 13.97248545 97.9441428 8.28125 90.83984375 C6.80407367 89.00096157 5.3052046 87.17921177 3.78125 85.37890625 C-8.90697146 70.34515089 -18.58344545 53.3744484 -27.0625 35.6875 C-27.45703369 34.86862305 -27.85156738 34.04974609 -28.25805664 33.20605469 C-28.61762451 32.44067383 -28.97719238 31.67529297 -29.34765625 30.88671875 C-29.66742432 30.20826904 -29.98719238 29.52981934 -30.31665039 28.83081055 C-31 27 -31 27 -31 24 C-28.71875 22.1953125 -28.71875 22.1953125 -25.5 20.125 C-19.85196275 16.39338922 -14.54951351 12.35089993 -9.3125 8.0625 C-8.61769531 7.4948291 -7.92289063 6.9271582 -7.20703125 6.34228516 C-4.71506352 4.29222143 -2.28306467 2.28306467 0 0 Z " fill="#FCFCFC" transform="translate(1620,3603)"/>
<path d="M0 0 C3.01585228 3.67024741 5.75634246 7.47345788 8.40234375 11.4140625 C9.0414267 12.36017899 9.0414267 12.36017899 9.69342041 13.32540894 C11.110164 15.42389738 12.52384054 17.52443294 13.9375 19.625 C14.94358059 21.11666172 15.94985143 22.60819512 16.95629883 24.09960938 C19.13414898 27.32766093 21.31067637 30.5565992 23.48632812 33.78613281 C27.16966353 39.25302442 30.85816556 44.71642115 34.546875 50.1796875 C37.09394312 53.95299468 39.64074479 57.72648163 42.1875 61.5 C42.78948212 62.39180969 43.39146423 63.28361938 44.01168823 64.20245361 C50.00982352 73.0898927 55.99805412 81.98336333 61.9375 90.91015625 C66.35566339 97.55012503 70.80411724 104.16906107 75.26953125 110.77734375 C75.88728928 111.69170197 76.5050473 112.60606018 77.14152527 113.54812622 C79.67368656 117.2952029 82.20644043 121.04187608 84.7409668 124.78735352 C98.48444962 145.10130049 98.48444962 145.10130049 104 154 C96.2476358 152.49619691 88.85109378 150.10578833 81.36691284 147.63540649 C77.29188272 146.29073452 73.21199528 144.96091613 69.1328125 143.62890625 C68.25429123 143.34164169 67.37576996 143.05437714 66.47062683 142.75840759 C55.14268832 139.05861447 43.78922855 135.43848175 32.4375 131.8125 C29.22905398 130.78708078 26.02065942 129.76150068 22.81227112 128.73590088 C20.74933208 128.07645916 18.68637464 127.41707502 16.62339783 126.75775146 C4.4106256 122.85396777 -7.79581966 118.93055767 -20 115 C-16.09029262 84.9669102 -16.09029262 84.9669102 -13.04101562 71.83984375 C-11.99754396 67.16456099 -11.2666227 62.47950879 -10.59765625 57.73828125 C-9.18696706 48.05852387 -7.58441178 38.4201977 -5.89282227 28.78588867 C-5.42984916 26.14383893 -4.9735965 23.50067989 -4.51757812 20.85742188 C-4.21915025 19.14836756 -3.92033696 17.43938049 -3.62109375 15.73046875 C-3.48771103 14.95438766 -3.35432831 14.17830658 -3.21690369 13.37870789 C-2.4084711 8.81422985 -1.34929096 4.43568865 0 0 Z " fill="#FCFCFC" transform="translate(1183,2951)"/>
<path d="M0 0 C1.39287032 6.45434444 2.77971322 12.90996381 4.16259766 19.36645508 C4.63260206 21.55750026 5.10392779 23.74826248 5.57666016 25.9387207 C10.61450506 49.29067619 10.61450506 49.29067619 12 60 C-0.57972832 62.46609789 -13.21973003 64.06483644 -25.94389343 65.56594849 C-26.68815079 65.6537558 -27.43240814 65.74156311 -28.19921875 65.83203125 C-28.96422195 65.92217499 -29.72922516 66.01231873 -30.51741028 66.10519409 C-39.94270078 67.22126248 -49.35751754 68.42047283 -58.77386475 69.60916138 C-73.74137044 71.49552841 -88.71089922 73.36808736 -103.69561768 75.11328125 C-105.16697206 75.28504809 -106.63813146 75.45849525 -108.10906982 75.63378906 C-110.12287596 75.87310194 -112.13759623 76.10468386 -114.15234375 76.3359375 C-115.26601318 76.46532715 -116.37968262 76.5947168 -117.52709961 76.72802734 C-121.67302751 77.05270669 -125.84137826 77 -130 77 C-130 61.16 -130 45.32 -130 29 C-111.38105244 24.57082305 -92.75112747 20.24803259 -74.0625 16.125 C-58.33234733 12.65413973 -42.62515805 9.09583456 -26.9375 5.4375 C-26.00277863 5.21958801 -25.06805725 5.00167603 -24.10501099 4.77716064 C-15.02859252 2.74262007 -15.02859252 2.74262007 -6.01954651 0.44544983 C-4 0 -4 0 0 0 Z " fill="#FDFDFD" transform="translate(2948,2657)"/>
<path d="M0 0 C5.06698023 0.59163313 9.70035369 1.7088588 14.53881836 3.34155273 C15.25897125 3.57922867 15.97912415 3.8169046 16.72109985 4.06178284 C19.09585338 4.84695445 21.46777734 5.64034514 23.83984375 6.43359375 C25.52418201 6.99172783 27.2087209 7.54925677 28.89344788 8.10621643 C33.34291674 9.57858385 37.79016467 11.05754049 42.23681641 12.53839111 C50.10198149 15.15685402 57.97031915 17.76576565 65.83984375 20.37109375 C66.69328117 20.65371881 67.5467186 20.93634388 68.42601776 21.22753334 C80.24972707 25.13972032 92.09442461 28.97663374 103.98046875 32.6953125 C104.63647505 32.90117414 105.29248135 33.10703579 105.96836662 33.31913567 C131.33840259 41.26675281 157.7990263 45.21012051 184.4375 45.1875 C185.26805908 45.18814453 186.09861816 45.18878906 186.9543457 45.18945312 C194.47881238 45.1278403 201.92251124 44.50611132 209.40209961 43.71166992 C214.9730668 43.12637699 220.39704562 42.90917197 226 43 C205.31108051 64.50134075 155.05264529 70.41053951 126.5949707 71.19262695 C121.94530826 71.27405934 117.29697004 71.28164757 112.64672852 71.26074219 C109.80398444 71.24996772 106.96186646 71.26074349 104.11914062 71.2734375 C66.31882528 71.30538593 29.46763071 61.49274887 -4.20703125 44.47265625 C-4.91964111 44.1156665 -5.63225098 43.75867676 -6.36645508 43.39086914 C-8 42 -8 42 -8.80639648 39.62792969 C-9.00944728 36.87176482 -8.71901598 35.10248918 -7.890625 32.48046875 C-7.63168457 31.6299292 -7.37274414 30.77938965 -7.10595703 29.90307617 C-6.82349121 29.00693604 -6.54102539 28.1107959 -6.25 27.1875 C-3.53036518 18.18156065 -1.49749803 9.287115 0 0 Z " fill="#FDFDFD" transform="translate(2652,3566)"/>
<path d="M0 0 C7.31675276 21.82282287 14.52064904 43.67891663 21.59925842 65.58009338 C24.56056705 74.73970941 27.53788509 83.89411199 30.51739502 93.04782104 C31.4097115 95.7896151 32.30130874 98.53164229 33.19287109 101.27368164 C33.47304077 102.13435745 33.75321045 102.99503326 34.04187012 103.88179016 C34.58831219 105.56080441 35.1339852 107.24006917 35.67883301 108.91960144 C36.92839834 112.76135789 38.19680588 116.59405871 39.52001953 120.41113281 C39.87314964 121.43800705 39.87314964 121.43800705 40.2334137 122.48562622 C40.86177673 124.30521685 41.49900345 126.12173997 42.13696289 127.93798828 C42.94622222 130.80919919 43.18490808 133.04077947 43 136 C30.20711225 139.28401823 17.38945677 142.42845632 4.5 145.3125 C3.37424561 145.56660645 2.24849121 145.82071289 1.08862305 146.08251953 C-0.51758911 146.43805908 -0.51758911 146.43805908 -2.15625 146.80078125 C-3.09275391 147.00872314 -4.02925781 147.21666504 -4.99414062 147.4309082 C-8.65245356 148.12352739 -12.30199016 148.5675554 -16 149 C-18.76260114 138.16196361 -21.33936572 127.29645797 -23.75 116.375 C-23.91852478 115.61519836 -24.08704956 114.85539673 -24.26068115 114.0725708 C-27.14697409 101.05584351 -29.90890972 88.01452075 -32.62762451 74.96188354 C-34.96336733 63.7534331 -37.40201132 52.58124057 -40.09814453 41.45263672 C-41.79185758 34.35079873 -42.97806139 27.22801138 -44 20 C-38.21995492 17.14341716 -32.43544316 14.29604147 -26.64770508 11.45507812 C-24.67855976 10.48715185 -22.71045389 9.51710798 -20.7434082 8.54492188 C-17.91887466 7.14938728 -15.09071328 5.76146445 -12.26171875 4.375 C-11.38037766 3.93752441 -10.49903656 3.50004883 -9.59098816 3.04931641 C-8.77036392 2.64890137 -7.94973969 2.24848633 -7.10424805 1.8359375 C-6.02169991 1.30299072 -6.02169991 1.30299072 -4.9172821 0.75927734 C-3 0 -3 0 0 0 Z " fill="#FCFCFC" transform="translate(2977,2487)"/>
<path d="M0 0 C1.37491299 1.50787161 2.67364462 3.08539761 3.9375 4.6875 C4.74058594 5.69167969 5.54367187 6.69585938 6.37109375 7.73046875 C7.01280518 8.53363525 7.01280518 8.53363525 7.66748047 9.35302734 C9.89733659 12.10909356 12.20045099 14.80207217 14.5 17.5 C18.02078054 21.64960144 21.52942464 25.80826612 25 30 C25.70125 30.845625 26.4025 31.69125 27.125 32.5625 C28.96212867 34.95076728 30.50629183 37.3860107 32 40 C25.82395754 44.6157791 19.37475852 48.6326131 12.75 52.5625 C2.57260432 58.60362279 -7.40429772 64.93222762 -17.36865234 71.31689453 C-32.50299179 80.99736736 -47.74570173 90.51015301 -63 100 C-63.91990723 100.57331055 -64.83981445 101.14662109 -65.78759766 101.73730469 C-68.31359238 103.30917848 -70.84345235 104.87458949 -73.375 106.4375 C-74.12402588 106.90422119 -74.87305176 107.37094238 -75.64477539 107.85180664 C-80.7694456 111 -80.7694456 111 -83 111 C-83.54188965 109.94594971 -83.54188965 109.94594971 -84.09472656 108.87060547 C-90.97978503 95.49410684 -97.91609805 82.15879607 -105.17871094 68.98193359 C-106.07230878 67.36013792 -106.96274688 65.73659476 -107.84912109 64.11083984 C-108.85630805 62.26354701 -109.8745131 60.42227019 -110.89453125 58.58203125 C-112 56 -112 56 -111 53 C-108.49755859 51.45703125 -108.49755859 51.45703125 -105.1484375 49.8125 C-104.54735672 49.51410721 -103.94627594 49.21571442 -103.32698059 48.90827942 C-101.34768557 47.92897461 -99.36159184 46.96440547 -97.375 46 C-95.98572071 45.3167375 -94.59680781 44.63272954 -93.20825195 43.94799805 C-84.68908197 39.75691665 -76.13645017 35.63397052 -67.55810547 31.56542969 C-55.56431502 25.86988078 -43.65086375 20.00795761 -31.72729492 14.16723633 C-23.96293786 10.3671773 -16.19271078 6.57995961 -8.375 2.890625 C-7.18648437 2.32891602 -5.99796875 1.76720703 -4.7734375 1.18847656 C-2 0 -2 0 0 0 Z " fill="#FDFDFD" transform="translate(1883,3017)"/>
<path d="M0 0 C4.08910482 0.05303734 7.90837677 0.67600381 11.91870117 1.50268555 C19.29755869 2.97124041 26.6930877 4.12142654 34.14471436 5.1675415 C47.06297742 6.98673149 59.93032202 9.03193428 72.78198242 11.2722168 C86.73128789 13.70274234 86.73128789 13.70274234 100.71948242 15.8972168 C101.48929443 16.01137939 102.25910645 16.12554199 103.05224609 16.24316406 C106.59130575 16.75970934 110.13267743 17.24493843 113.68041992 17.69799805 C114.97206055 17.86686523 116.26370117 18.03573242 117.59448242 18.2097168 C118.70178711 18.34506836 119.8090918 18.48041992 120.94995117 18.61987305 C122.16618164 18.8809082 122.16618164 18.8809082 123.40698242 19.1472168 C123.73698242 19.8072168 124.06698242 20.4672168 124.40698242 21.1472168 C123.73981201 21.50323975 123.0726416 21.8592627 122.38525391 22.22607422 C109.56325453 29.07696391 96.79554253 35.99724891 84.15771484 43.18359375 C76.8476844 47.3394201 69.51005164 51.44303797 62.15698242 55.5222168 C60.46327515 56.46182251 60.46327515 56.46182251 58.73535156 57.42041016 C56.43916708 58.69382146 54.14286126 59.96701401 51.84643555 61.23999023 C46.19796137 64.37215096 40.55261385 67.50993597 34.90698242 70.6472168 C32.65699778 71.89724444 30.40699777 73.14724443 28.15698242 74.3972168 C27.04323242 75.0159668 25.92948242 75.6347168 24.78198242 76.2722168 C21.40698242 78.1472168 18.03198242 80.0222168 14.65698242 81.8972168 C13.54137939 82.51709473 12.42577637 83.13697266 11.27636719 83.77563477 C9.04542289 85.01485069 6.81414484 86.25346597 4.58251953 87.49145508 C-0.69976626 90.42275061 -5.97837712 93.3601619 -11.24533081 96.31890869 C-13.73832104 97.71887846 -16.23321733 99.11543146 -18.72827148 100.51171875 C-19.91917288 101.17944306 -21.10913404 101.84884739 -22.2980957 102.52001953 C-23.94480684 103.44945589 -25.59501097 104.37269536 -27.24536133 105.2956543 C-28.18371826 105.82336426 -29.1220752 106.35107422 -30.08886719 106.89477539 C-32.29397914 107.99765384 -34.18485884 108.68203239 -36.59301758 109.1472168 C-35.88881724 104.27102493 -34.69696248 99.6061441 -33.33129883 94.8815918 C-33.07818436 94.00146423 -32.82506989 93.12133667 -32.56428528 92.21453857 C-28.07082201 76.75728425 -23.2663115 61.3901405 -18.51416016 46.01098633 C-17.05341144 41.28331656 -15.59762478 36.55413425 -14.14306164 31.82455826 C-13.01719578 28.16606267 -11.88843894 24.50846405 -10.75881386 20.85112762 C-10.2199648 19.10504079 -9.6821063 17.35864794 -9.14525414 15.61194611 C-8.40191768 13.1947047 -7.6546242 10.77872277 -6.90625 8.36303711 C-6.68550308 7.64221451 -6.46475616 6.92139191 -6.23731995 6.1787262 C-4.3704393 0.17907012 -4.3704393 0.17907012 0 0 Z " fill="#FDFDFD" transform="translate(1708.593017578125,803.852783203125)"/>
<path d="M0 0 C-2.0797374 2.0797374 -3.39516774 2.70191232 -6.0859375 3.77734375 C-6.92455322 4.12031494 -7.76316895 4.46328613 -8.62719727 4.81665039 C-9.53397217 5.18653076 -10.44074707 5.55641113 -11.375 5.9375 C-38.43395241 17.26358104 -61.94141443 33.85825219 -84 53 C-85.15628906 53.97066406 -85.15628906 53.97066406 -86.3359375 54.9609375 C-90.34921891 58.35915662 -93.81932687 61.95506965 -97.21875 65.96484375 C-99.0644923 68.07368528 -101.00139417 70.03598542 -103 72 C-106.14839051 75.10633186 -109.07732421 78.32473292 -111.9609375 81.67578125 C-114.5475345 84.62410542 -117.20839896 87.49911509 -119.875 90.375 C-124.96797703 95.87152972 -129.99970065 101.41890363 -135 107 C-136.54152641 108.7084599 -138.08319353 110.41679284 -139.625 112.125 C-142.84510503 115.70165645 -146.02671939 119.30845559 -149.1875 122.9375 C-151.27211164 125.30964429 -153.38428644 127.65556065 -155.5 130 C-158.20919191 133.0025731 -160.9032688 136.01559045 -163.5625 139.0625 C-164.11421875 139.69285156 -164.6659375 140.32320312 -165.234375 140.97265625 C-166.54277018 142.47499496 -167.84371909 143.98382572 -169.140625 145.49609375 C-170.21570312 146.73552734 -170.21570312 146.73552734 -171.3125 148 C-171.96863281 148.763125 -172.62476563 149.52625 -173.30078125 150.3125 C-175 152 -175 152 -177 152 C-178.32691027 150.48483244 -179.58483832 148.90914348 -180.8125 147.3125 C-184.55830575 142.62568957 -188.50021022 138.29656997 -192.75 134.0625 C-193.29245361 133.51956299 -193.83490723 132.97662598 -194.39379883 132.41723633 C-197.4515142 129.39988374 -200.58799823 126.62218655 -204 124 C-203.46114103 119.01555449 -201.14054241 115.50431192 -198.5 111.375 C-198.05148682 110.66714355 -197.60297363 109.95928711 -197.14086914 109.22998047 C-193.19332934 103.10542215 -188.83016132 97.45755317 -184 92 C-183.36916504 91.28593994 -182.73833008 90.57187988 -182.08837891 89.83618164 C-168.04623833 74.07019375 -153.38888413 59.06185466 -136 47 C-135.36545898 46.55269531 -134.73091797 46.10539062 -134.07714844 45.64453125 C-96.23306694 19.07771336 -46.8902975 -1.40203547 0 0 Z " fill="#FCFCFC" transform="translate(2012,374)"/>
<path d="M0 0 C9.42425659 1.32457906 18.71702454 3.06359816 28.02490234 5.03173828 C30.28700568 5.50778768 32.55157486 5.97071914 34.81640625 6.43359375 C36.25797901 6.736187 37.69939199 7.03954267 39.140625 7.34375 C40.15446259 7.54852966 40.15446259 7.54852966 41.18878174 7.75744629 C42.80785218 8.10693146 44.40721023 8.54552257 46 9 C47 11 47 11 46.4931488 12.95892334 C46.1956221 13.76364075 45.8980954 14.56835815 45.59155273 15.39746094 C45.25577209 16.31709122 44.91999146 17.2367215 44.57403564 18.18421936 C44.00951691 19.6940464 44.00951691 19.6940464 43.43359375 21.234375 C43.04814392 22.28342514 42.66269409 23.33247528 42.26556396 24.41331482 C40.99665751 27.86154645 39.7170948 31.30572199 38.4375 34.75 C37.56284843 37.12123906 36.68891011 39.49274133 35.81567383 41.86450195 C33.6265419 47.80552038 31.42917427 53.74345248 29.22924805 59.68048096 C26.79454559 66.2552656 24.37127952 72.83426519 21.94750977 79.41308594 C20.81525357 82.48634724 19.68033388 85.55859923 18.54272461 88.62988281 C15.69624112 96.32382573 12.91587213 104.03714908 10.19911194 111.77786255 C7.7524843 118.73543003 5.19970204 125.65125299 2.625 132.5625 C2.17511719 133.77357422 1.72523438 134.98464844 1.26171875 136.23242188 C0.17570826 139.15540755 -0.91153103 142.07792914 -2 145 C-6.6520989 144.42571547 -10.29361152 143.13686941 -14.515625 141.12109375 C-15.1251149 140.83322998 -15.7346048 140.54536621 -16.36256409 140.2487793 C-18.32848997 139.31875311 -20.28936326 138.3786188 -22.25 137.4375 C-24.94504823 136.15293974 -27.64207542 134.87258654 -30.33984375 133.59375 C-31.00106735 133.27957626 -31.66229095 132.96540253 -32.34355164 132.64170837 C-36.17591037 130.8300224 -40.02891779 129.10288173 -43.94140625 127.46875 C-45.20065918 126.94003296 -45.20065918 126.94003296 -46.48535156 126.40063477 C-47.99512063 125.77578804 -49.5112115 125.16592389 -51.03417969 124.57397461 C-53.01953125 123.74609375 -53.01953125 123.74609375 -56 122 C-57.321857 118.68816346 -57.08202436 117.21815495 -55.81933594 113.85986328 C-55.21379883 112.69181152 -54.60826172 111.52375977 -53.984375 110.3203125 C-53.49473015 109.36004906 -53.49473015 109.36004906 -52.99519348 108.38038635 C-52.29230886 107.00568595 -51.58308642 105.63421122 -50.86819458 104.26571655 C-49.3537934 101.36648619 -47.86996428 98.45197192 -46.38380432 95.53819275 C-45.63546688 94.07207741 -44.88549524 92.60679505 -44.13389587 91.14234924 C-41.17382155 85.37170759 -38.33179725 79.55221496 -35.5625 73.6875 C-30.97468371 64.01307679 -26.30947481 54.37786449 -21.625 44.75 C-14.37810878 29.85175304 -7.1723278 14.93429186 0 0 Z " fill="#FDFDFD" transform="translate(2496,2943)"/>
<path d="M0 0 C10.96072569 2.4273409 21.75748871 5.28981329 32.55541992 8.359375 C39.09514054 10.21021134 45.64697046 11.95282593 52.25 13.5625 C59.94254865 15.43912677 67.54323799 17.55770851 75.14550781 19.76977539 C81.06766189 21.48070523 87.01180015 23.03818341 93 24.5 C100.87415496 26.42358249 108.66481908 28.5710401 116.44995117 30.82666016 C123.93879226 32.99547047 131.45644361 35.03010048 139 37 C137.54550505 44.60998187 135.07272531 51.58451334 132.3125 58.8125 C128.47245894 68.94161149 128.47245894 68.94161149 124.92578125 79.17578125 C124.61793701 80.10221436 124.31009277 81.02864746 123.99291992 81.9831543 C123.42622228 83.70811498 122.87238583 85.43736917 122.33325195 87.17114258 C120.49193187 92.73516996 120.49193187 92.73516996 118.3605957 93.88256836 C114.80962163 94.05921729 111.89140044 92.71501631 108.66015625 91.40234375 C107.2138182 90.83678578 105.767364 90.27152476 104.32080078 89.70654297 C103.5941925 89.41849792 102.86758423 89.13045288 102.11895752 88.8336792 C99.0311384 87.61881267 95.92035115 86.46834867 92.80859375 85.31640625 C76.40839306 79.19323566 60.04273884 72.98500689 43.71801758 66.66308594 C36.31852137 63.79983364 28.91526585 60.95372968 21.47109985 58.20826721 C18.27765181 57.0304582 15.08814147 55.84217341 11.89862061 54.65377808 C10.39263698 54.09653866 8.88454485 53.54496226 7.37432861 52.9992981 C5.29879056 52.24911237 3.23109987 51.48027112 1.1640625 50.70703125 C-0.00688965 50.2788208 -1.1778418 49.85061035 -2.38427734 49.40942383 C-5 48 -5 48 -5.68408203 46.15908813 C-6.22034337 42.49410033 -5.53578585 38.89593791 -5.0390625 35.25390625 C-4.929039 34.40577866 -4.8190155 33.55765106 -4.70565796 32.68382263 C-4.35238987 29.97575048 -3.98861882 27.2691996 -3.625 24.5625 C-3.38737621 22.74422475 -3.15038987 20.92586608 -2.9140625 19.10742188 C-2.6854637 17.36450876 -2.45631518 15.62166764 -2.2265625 13.87890625 C-2.11921783 13.0641835 -2.01187317 12.24946075 -1.90127563 11.41004944 C-1.38540417 7.57547866 -0.82350771 3.78367125 0 0 Z " fill="#FDFDFD" transform="translate(2901,1554)"/>
<path d="M0 0 C5.35478427 0.71929938 7.32301098 3.57211799 10.7265625 7.5546875 C12.0465708 9.03152195 13.36689056 10.50807807 14.6875 11.984375 C15.34975586 12.7381543 16.01201172 13.49193359 16.69433594 14.26855469 C19.67822293 17.63707759 22.76604357 20.90455567 25.8515625 24.1796875 C27.00088047 25.41063684 28.14932723 26.64240023 29.296875 27.875 C29.85407227 28.47344727 30.41126953 29.07189453 30.98535156 29.68847656 C31.53932617 30.28370117 32.09330078 30.87892578 32.6640625 31.4921875 C33.22319336 32.09256836 33.78232422 32.69294922 34.35839844 33.31152344 C35.98299521 35.05751448 37.60519534 36.8056975 39.2265625 38.5546875 C39.70311279 39.06668701 40.17966309 39.57868652 40.6706543 40.10620117 C42.01323299 41.5576957 43.338872 43.0248007 44.6640625 44.4921875 C45.15374512 45.01925293 45.64342773 45.54631836 46.14794922 46.08935547 C47.56640625 47.67578125 47.56640625 47.67578125 49.6640625 50.4921875 C48.26129124 54.70050128 45.21991803 56.09112941 41.6640625 58.4296875 C40.1932933 59.41820471 38.72326474 60.40782459 37.25390625 61.3984375 C36.49319824 61.90890625 35.73249023 62.419375 34.94873047 62.9453125 C31.33876439 65.38950411 27.78222307 67.90742311 24.2265625 70.4296875 C23.52055908 70.92927979 22.81455566 71.42887207 22.0871582 71.94360352 C20.65516637 72.95697559 19.22344384 73.97072832 17.79199219 74.98486328 C14.31391704 77.44856635 10.83309125 79.908368 7.3515625 82.3671875 C6.66030273 82.85550049 5.96904297 83.34381348 5.25683594 83.84692383 C-0.32519392 87.78669135 -5.92321842 91.70333485 -11.5234375 95.6171875 C-19.49808103 101.19092084 -27.43475956 106.81485103 -35.3359375 112.4921875 C-37.21989978 109.66624408 -38.10753283 107.51561922 -39.1484375 104.31933594 C-39.49672104 103.25742035 -39.84500458 102.19550476 -40.20384216 101.10140991 C-40.57743362 99.94646027 -40.95102509 98.79151062 -41.3359375 97.6015625 C-41.72826065 96.4009317 -42.1205838 95.2003009 -42.52479553 93.96328735 C-43.58172704 90.72547566 -44.63456123 87.48639012 -45.68532181 84.2465744 C-46.76698668 80.91423101 -47.85340526 77.58343797 -48.93920898 74.25244141 C-50.64217753 69.02576968 -52.3418455 63.79803652 -54.03857422 58.56933594 C-55.68476683 53.49638021 -57.33467929 48.42466332 -58.98867798 43.35424805 C-59.92352864 40.48705628 -60.85585934 37.61905266 -61.78686523 34.75061035 C-62.37951015 32.92547694 -62.97390598 31.10091237 -63.56835938 29.27636719 C-65.36349793 23.71610037 -67.00635862 18.18250954 -68.3359375 12.4921875 C-61.43688938 10.58262954 -54.46449023 9.47552058 -47.39608765 8.37564087 C-43.9228478 7.83454049 -40.4516139 7.28091939 -36.98046875 6.7265625 C-36.30675735 6.61907181 -35.63304596 6.51158112 -34.93891907 6.40083313 C-26.726847 5.08373269 -18.54787358 3.60704014 -10.4140625 1.8671875 C-9.10695313 1.58875 -9.10695313 1.58875 -7.7734375 1.3046875 C-6.71962891 1.06685547 -6.71962891 1.06685547 -5.64453125 0.82421875 C-3.76243407 0.55352795 -1.88109948 0.27753927 0 0 Z " fill="#FDFDFD" transform="translate(2516.3359375,783.5078125)"/>
<path d="M0 0 C0.99 0.495 0.99 0.495 2 1 C0.92685547 2.60101562 0.92685547 2.60101562 -0.16796875 4.234375 C-7.87913319 15.75856556 -15.4670012 27.35873781 -23 39 C-23.95961166 40.48178622 -24.91924621 41.96355762 -25.87890625 43.4453125 C-28.13967685 46.93712871 -30.39874867 50.4300404 -32.65722656 53.92333984 C-34.93723929 57.44948316 -37.21870206 60.97468809 -39.5 64.5 C-40.41667341 65.9166623 -41.33334008 67.33332897 -42.25 68.75 C-47.75 77.25 -53.25 85.75 -58.75 94.25 C-59.20431396 94.9522168 -59.65862793 95.65443359 -60.12670898 96.37792969 C-61.03732768 97.78505817 -61.94829398 99.19196177 -62.85961914 100.59863281 C-65.2468173 104.28440178 -67.62665458 107.97466011 -69.99609375 111.671875 C-70.48851563 112.43822266 -70.9809375 113.20457031 -71.48828125 113.99414062 C-72.42673145 115.45493574 -73.36306877 116.91709127 -74.296875 118.38085938 C-74.72355469 119.04408203 -75.15023437 119.70730469 -75.58984375 120.390625 C-76.14466431 121.2573584 -76.14466431 121.2573584 -76.71069336 122.14160156 C-77.13616455 122.75487305 -77.56163574 123.36814453 -78 124 C-78.56678467 124.84087158 -79.13356934 125.68174316 -79.7175293 126.5480957 C-82.57469485 129.6173559 -84.97416685 130.47621524 -88.9296875 131.83984375 C-89.61923019 132.08303848 -90.30877289 132.32623322 -91.01921082 132.57679749 C-92.51436369 133.10206373 -94.01208064 133.62007597 -95.51199341 134.1315918 C-97.92123223 134.9532676 -100.32334325 135.79330613 -102.72436523 136.63867188 C-105.25048363 137.52784845 -107.77695317 138.41583869 -110.3054657 139.29818726 C-118.47079113 142.14850976 -126.58832836 145.1220994 -134.6986084 148.12490845 C-137.07479214 149.00455044 -139.45183486 149.88183431 -141.82910156 150.75854492 C-149.62130069 153.63355435 -157.40859382 156.52155466 -165.19140625 159.421875 C-179.02130206 164.57519572 -192.85542796 169.71061357 -206.75 174.6875 C-207.89227051 175.09774414 -209.03454102 175.50798828 -210.21142578 175.93066406 C-215.43784032 177.792301 -220.63903331 179.56785604 -226 181 C-221.98612139 176.82244867 -217.67786673 173.15504489 -213.1875 169.5 C-212.44266357 168.89051514 -211.69782715 168.28103027 -210.93041992 167.65307617 C-208.62246 165.76602968 -206.31130942 163.88294147 -204 162 C-202.60664784 160.8608275 -201.21341411 159.72151013 -199.8203125 158.58203125 C-193.05584401 153.05856176 -186.24492511 147.60433119 -179.35864258 142.23364258 C-173.931132 137.98279484 -168.62573283 133.58887432 -163.31665039 129.19165039 C-158.92598102 125.56310874 -154.49489895 121.99841283 -150 118.5 C-143.92202265 113.76866679 -137.97277719 108.89119525 -132.03735352 103.98266602 C-127.60428675 100.31731732 -123.14506614 96.69078807 -118.640625 93.11328125 C-116.51645011 91.41331288 -114.40388708 89.70154821 -112.296875 87.98046875 C-105.00726654 82.02630742 -97.67378507 76.15524687 -90.19140625 70.4453125 C-86.87368901 67.91141233 -83.59112045 65.33418719 -80.3125 62.75 C-72.67271963 56.73230603 -64.99439625 50.76464326 -57.31445312 44.79833984 C-53.54184366 41.86700637 -49.77099645 38.93340802 -46 36 C-44.50000877 34.83332206 -43.00000876 33.6666554 -41.5 32.5 C-40.38625 31.63375 -40.38625 31.63375 -39.25 30.75 C-32.5 25.5 -32.5 25.5 -30.24584961 23.74682617 C-28.759614 22.59082924 -27.27344758 21.43474334 -25.78735352 20.27856445 C-21.82734815 17.19788313 -17.86583356 14.11916621 -13.90234375 11.04296875 C-13.07154297 10.39779297 -12.24074219 9.75261719 -11.38476562 9.08789062 C-9.78103581 7.84253619 -8.17688434 6.59772452 -6.57226562 5.35351562 C-5.85619141 4.79728516 -5.14011719 4.24105469 -4.40234375 3.66796875 C-3.76804443 3.17578857 -3.13374512 2.6836084 -2.48022461 2.17651367 C-1.03831903 1.07617819 -1.03831903 1.07617819 0 0 Z " fill="#FDFDFD" transform="translate(2957,2959)"/>
<path d="M0 0 C1.49325557 2.98651115 0.44733717 4.8735237 -0.38012695 8.078125 C-0.61946158 9.01739224 -0.61946158 9.01739224 -0.86363125 9.97563457 C-1.39864911 12.06882508 -1.94356812 14.15931347 -2.48828125 16.25 C-2.86676933 17.72449578 -3.24454332 19.19917503 -3.62164307 20.67402649 C-4.42608744 23.81569108 -5.23451739 26.95629064 -6.0461731 30.09609985 C-7.9467534 37.45006145 -9.82701797 44.80921885 -11.70599174 52.16872597 C-12.12139969 53.79577661 -12.53703584 55.422769 -12.95289803 57.0497036 C-16.07910952 69.28465964 -19.10677496 81.53802756 -21.98117065 93.83493042 C-22.55817302 96.29405882 -23.14379691 98.75096372 -23.73266602 101.20727539 C-24.1096288 102.78139096 -24.48650232 104.35552791 -24.86328125 105.9296875 C-25.0431105 106.68094406 -25.22293976 107.43220062 -25.40821838 108.20622253 C-26.32780116 112.07550137 -27.21369122 115.94921914 -28.05224609 119.83691406 C-34.60154035 150.19080155 -34.60154035 150.19080155 -42.5 155.75 C-44.31197641 156.85657508 -46.14574937 157.87021836 -48.02734375 158.85351562 C-51.87262742 161.08834881 -55.13039641 164.11790221 -58.5 167 C-63.68668251 171.31310531 -68.92477174 175.54690304 -74.25 179.6875 C-79.40387985 183.69680739 -84.41807038 187.8421616 -89.38330078 192.08227539 C-93.37975396 195.49144714 -97.44749619 198.79428784 -101.5625 202.05859375 C-104.10112942 204.08054699 -106.6153333 206.12972269 -109.125 208.1875 C-128.85811094 224.3580747 -128.85811094 224.3580747 -138.4375 231.8125 C-143.81807533 236.00227364 -148.98716247 240.37174524 -154 245 C-154.66 244.67 -155.32 244.34 -156 244 C-149.57573412 233.38029518 -143.02459002 222.85249046 -136.33984375 212.39477539 C-132.29962221 206.06542506 -128.31677193 199.7035858 -124.375 193.3125 C-118.80564289 184.28340348 -113.16249559 175.30347969 -107.48388672 166.34277344 C-105.4869615 163.1900103 -103.49431309 160.03455572 -101.50195312 156.87890625 C-100.00309314 154.50489914 -98.50350069 152.13135572 -97.00390625 149.7578125 C-94.98830771 146.56672161 -92.97557463 143.37384758 -90.96484375 140.1796875 C-84.8244894 130.43067588 -78.61884069 120.7276207 -72.34130859 111.06640625 C-71.02307493 109.035549 -69.70814175 107.00260016 -68.39453125 104.96875 C-61.27051118 93.9390346 -54.09893488 82.94056823 -46.921875 71.9453125 C-45.0718303 69.11008139 -43.22313078 66.27397898 -41.375 63.4375 C-33.94192537 52.03074385 -26.48784481 40.63797303 -19.02218628 29.25253296 C-12.64475089 19.52532057 -6.2976724 9.77908232 0 0 Z " fill="#FCFCFC" transform="translate(3194,2625)"/>
<path d="M0 0 C3.20661739 0.60331258 5.12704479 1.63154581 7.66015625 3.66796875 C8.36180908 4.22452148 9.06346191 4.78107422 9.78637695 5.35449219 C10.53749756 5.95938477 11.28861816 6.56427734 12.0625 7.1875 C18.55869344 12.33449936 25.1205105 17.36008936 31.8125 22.25 C38.65352172 27.25915651 45.41030095 32.35247502 52.11474609 37.54345703 C65.56876556 47.9380025 79.10707222 58.19754519 93 68 C93.91362305 68.65210449 93.91362305 68.65210449 94.84570312 69.31738281 C112.14377743 81.60610337 131.1926075 91.44948213 151 99 C151.69577148 99.2686084 152.39154297 99.5372168 153.10839844 99.81396484 C167.99362707 105.50207319 183.43362163 109.64626807 199 113 C190.43034126 118.71310583 176.82196088 117.32184853 166.875 117.25 C166.20290497 117.24723053 165.53080994 117.24446106 164.83834839 117.24160767 C147.91585679 117.16025796 131.54546517 115.63924416 115 112 C114.07558105 111.79890625 113.15116211 111.5978125 112.19873047 111.390625 C59.07926992 99.67522546 15.86789135 73.63721646 -22 35 C-21.69449219 34.54753906 -21.38898437 34.09507812 -21.07421875 33.62890625 C-9.93974393 17.17800885 -9.93974393 17.17800885 0 0 Z " fill="#FCFCFC" transform="translate(2140,3672)"/>
<path d="M0 0 C4.48992826 1.55500666 8.23542275 3.97969714 12.14453125 6.62109375 C12.83197922 7.08048843 13.51942719 7.53988312 14.22770691 8.01319885 C16.42555681 9.4836621 18.61898967 10.96057345 20.8125 12.4375 C22.24387187 13.39558393 23.67551036 14.35326966 25.10742188 15.31054688 C32.68013298 20.38080085 40.21090515 25.50885053 47.71281433 30.68315125 C55.87823353 36.30706986 64.10857641 41.83479119 72.33358765 47.3710022 C87.92285306 57.86468488 103.50066988 68.37374756 119 79 C115.88960919 83.86187302 112.41840967 88.29842875 108.75 92.75 C107.57916142 94.18077222 106.40858747 95.61176105 105.23828125 97.04296875 C104.67705566 97.72794434 104.11583008 98.41291992 103.53759766 99.11865234 C100.32358759 103.05119626 97.16627607 107.02903499 94 111 C91.83410734 113.70895269 89.66701365 116.41694401 87.5 119.125 C86.44789758 120.44008889 85.39581266 121.7551918 84.34375 123.0703125 C83.5703125 124.03710938 82.796875 125.00390625 82 126 C77.96194134 124.63733356 75.45631882 122.8590849 72.375 119.9375 C68.91579043 116.73339438 65.41723434 113.65157731 61.75 110.6875 C57.4354891 107.19567126 53.20294472 103.62419165 49 100 C43.98423478 95.67809926 38.90824112 91.44520325 33.76953125 87.26953125 C27.89200589 82.45311061 22.12388086 77.505057 16.33398438 72.58398438 C10.75714362 67.84596338 5.17417216 63.12157211 -0.5 58.5 C-4.73178682 55.04840987 -8.94079775 51.57153459 -13.125 48.0625 C-13.69412109 47.58941406 -14.26324219 47.11632813 -14.84960938 46.62890625 C-18.88441051 43.23117898 -18.88441051 43.23117898 -20 41 C-19.40567017 39.2923584 -19.40567017 39.2923584 -18.38525391 37.22460938 C-18.00801178 36.45040649 -17.63076965 35.67620361 -17.24209595 34.87854004 C-16.82446991 34.04205933 -16.40684387 33.20557861 -15.9765625 32.34375 C-15.55579437 31.48567749 -15.13502625 30.62760498 -14.70150757 29.74353027 C-13.35008788 26.9919646 -11.98769044 24.24599865 -10.625 21.5 C-9.71281695 19.64749209 -8.80134923 17.79463177 -7.890625 15.94140625 C-5.27358886 10.62110125 -2.65159296 5.30318593 0 0 Z " fill="#FDFDFD" transform="translate(3030,1851)"/>
<path d="M0 0 C4.54988943 1.34428551 8.64099307 3.2262689 12.87402344 5.32519531 C31.76848816 14.67756889 50.81709641 20.85299646 71.37817383 25.40551758 C73.69304619 25.93040017 75.988182 26.50030499 78.28515625 27.09765625 C81.880913 27.97107351 85.39542578 28.57924216 89.0625 29.0625 C90.20847656 29.21847656 91.35445312 29.37445312 92.53515625 29.53515625 C107.30216562 31.17838958 122.03212372 31.13219093 136.87109375 31.09765625 C139.24862132 31.09578746 141.62614927 31.09436574 144.00367737 31.09336853 C150.21283054 31.0895796 156.42195972 31.07978092 162.63110352 31.06866455 C170.10703282 31.0565571 177.58297022 31.05203091 185.05890656 31.04621124 C196.37262097 31.0365667 207.68628292 31.01738492 219 31 C219 46.51 219 62.02 219 78 C202.8138146 80.3123122 202.8138146 80.3123122 195.2109375 80.3359375 C193.92268822 80.34857384 193.92268822 80.34857384 192.6084137 80.36146545 C189.86374271 80.38088665 187.11972714 80.38120972 184.375 80.375 C183.4283548 80.37412384 182.48170959 80.37324768 181.50637817 80.37234497 C140.92618956 80.24887627 101.75966101 70.42896938 66 51 C65.26313965 50.608125 64.5262793 50.21625 63.76708984 49.8125 C54.33811243 44.79521 45.46388518 39.55143479 37 33 C36.06285156 32.31550781 35.12570312 31.63101563 34.16015625 30.92578125 C21.94207261 21.9829789 10.26187228 12.16240393 0 1 C0 0.67 0 0.34 0 0 Z " fill="#FDFDFD" transform="translate(863,3300)"/>
<path d="M0 0 C3.79773589 1.35150743 6.67194413 3.0652784 9.875 5.5 C14.12231239 8.66940866 18.44759656 11.67835762 22.87109375 14.59765625 C24.20438572 15.48215644 25.53738362 16.36710005 26.87011719 17.25244141 C27.8937738 17.93237152 27.8937738 17.93237152 28.93811035 18.6260376 C32.27461719 20.84935491 35.59700047 23.09340592 38.91796875 25.33984375 C39.58520462 25.79113144 40.25244049 26.24241913 40.93989563 26.7073822 C44.49593774 29.1136849 48.0505415 31.52211031 51.60522461 33.93041992 C52.71609688 34.68300331 52.71609688 34.68300331 53.84941101 35.45079041 C55.34874367 36.46654798 56.84802158 37.48238638 58.34724426 38.49830627 C62.67935874 41.43265355 67.0165447 44.35926925 71.35935974 47.27775574 C73.97851994 49.03837281 76.59544438 50.80229486 79.21206665 52.56668091 C80.44045889 53.39370583 81.66992363 54.2191401 82.90048218 55.04293823 C84.5939532 56.17687847 86.28341926 57.31679315 87.97265625 58.45703125 C88.92406494 59.09616455 89.87547363 59.73529785 90.85571289 60.39379883 C93 62 93 62 94 64 C79.13788091 66.87913346 64.24937482 69.58896317 49.34326172 72.22998047 C44.49018294 73.09000377 39.63766377 73.95316646 34.78515625 74.81640625 C20.24991777 77.40184012 5.71461431 79.98690759 -8.82196045 82.56481934 C-12.68147127 83.24930678 -16.5409155 83.934169 -20.40032959 84.61920166 C-22.29325866 84.95518451 -24.18620289 85.29108194 -26.0791626 85.62689209 C-35.68283521 87.33115047 -45.2845622 89.04468293 -54.87890625 90.80078125 C-55.64800323 90.94143005 -56.41710022 91.08207886 -57.20950317 91.22698975 C-60.75848464 91.87653086 -64.30692327 92.52882317 -67.85449219 93.18603516 C-73.89322547 94.29585213 -79.89547913 95.33363448 -86 96 C-81.89608887 90.2650106 -77.44291685 85.08397442 -72.5625 80 C-68.14675724 75.37183154 -63.81941547 70.69887635 -59.62768555 65.86621094 C-57.33896272 63.24209255 -54.98592726 60.68444367 -52.625 58.125 C-47.71080652 52.78480833 -42.84619233 47.40202801 -38 42 C-35.74797293 39.49687583 -33.49507877 36.99453386 -31.2421875 34.4921875 C-29.76707382 32.85260121 -28.29308348 31.21200345 -26.8203125 29.5703125 C-22.23532697 24.46319338 -17.61191028 19.39394143 -12.96557617 14.34277344 C-9.69990108 10.78443358 -6.49494815 7.17996436 -3.33984375 3.5234375 C-2.27112096 2.30827165 -1.1442894 1.1442894 0 0 Z " fill="#FDFDFD" transform="translate(1562,856)"/>
<path d="M0 0 C-0.63614785 4.87308826 -1.52499478 9.58505726 -2.65234375 14.375 C-2.82408112 15.10487625 -2.99581848 15.8347525 -3.17276001 16.58674622 C-3.75678658 19.05885277 -4.34670292 21.52950322 -4.9375 24 C-5.1430954 24.86418549 -5.3486908 25.72837097 -5.56051636 26.6187439 C-10.93346119 49.1630548 -16.68484353 71.61468382 -22.41310883 94.07074451 C-23.00586143 96.39447794 -23.59821703 98.71831229 -24.19052124 101.04216003 C-24.92466217 103.92239323 -25.66066015 106.80214264 -26.39785767 109.68159485 C-26.72956539 110.98148269 -27.06122311 112.28138329 -27.39282227 113.58129883 C-27.68020767 114.70482254 -27.96759308 115.82834625 -28.26368713 116.98591614 C-28.91409914 119.64836634 -29.4875379 122.30805232 -30 125 C-38.72842957 125.23821407 -47.24611142 124.49443527 -55.9140625 123.5390625 C-57.33729987 123.38642999 -58.76059012 123.23428988 -60.18392944 123.08261108 C-63.90969282 122.68414406 -67.63465414 122.27861181 -71.35949707 121.87164307 C-75.09983949 121.46443568 -78.84097572 121.06465576 -82.58203125 120.6640625 C-86.8965134 120.20189167 -91.21060424 119.73687253 -95.52325439 119.25787354 C-96.20278545 119.1824017 -96.88231651 119.10692986 -97.58243942 119.02917099 C-98.24649418 118.9554137 -98.91054893 118.88165642 -99.59472656 118.80566406 C-103.99505767 118.31862523 -108.39404869 117.86112359 -112.80371094 117.46777344 C-113.6135141 117.39013763 -114.42331726 117.31250183 -115.25765991 117.23251343 C-117.25705651 117.04278441 -119.25811045 116.87072747 -121.25927734 116.70068359 C-124 116 -124 116 -125.34277344 114.11621094 C-125.5596582 113.41786133 -125.77654297 112.71951172 -126 112 C-126.52207031 110.57300781 -126.52207031 110.57300781 -127.0546875 109.1171875 C-127.97225276 105.49062005 -128.40978922 102.73123872 -128 99 C-125.13671135 95.26969684 -121.63639016 92.78479905 -117.76855469 90.20166016 C-115.48619093 88.65088788 -113.33144794 86.96298449 -111.16357422 85.25756836 C-109.54236856 83.9841877 -107.90692899 82.73171754 -106.265625 81.484375 C-103.10705516 79.08266294 -99.95820273 76.66855536 -96.8125 74.25 C-96.02758179 73.64671875 -96.02758179 73.64671875 -95.22680664 73.03125 C-89.68527307 68.76713986 -84.170434 64.46878868 -78.65356445 60.17285156 C-74.27939289 56.76820096 -69.8968263 53.3753414 -65.5 50 C-57.30301626 43.70570383 -49.15396006 37.34986678 -41 31 C-31.63709625 23.70867271 -22.27271352 16.42029997 -12.85546875 9.19921875 C-9.41906807 6.5525791 -6.00962041 3.87258259 -2.609375 1.1796875 C-1 0 -1 0 0 0 Z " fill="#FDFDFD" transform="translate(3148,2812)"/>
<path d="M0 0 C3.39327897 3.35024636 6.43383096 6.69586187 9.3125 10.5 C9.93656738 11.32153564 9.93656738 11.32153564 10.57324219 12.15966797 C11.51781423 13.40325336 12.46092048 14.64795298 13.40283203 15.89355469 C15.16588715 18.21878238 16.93967284 20.53557215 18.71484375 22.8515625 C25.80614357 32.11281573 32.81730679 41.42448423 39.70996094 50.83447266 C44.07198142 56.77584538 48.52032582 62.6469598 53 68.5 C59.33026138 76.77422392 65.56402495 85.11215481 71.7109375 93.5234375 C73.89508203 96.51029075 76.10894686 99.47087639 78.3515625 102.4140625 C78.87322998 103.10516113 79.39489746 103.79625977 79.93237305 104.50830078 C80.9100056 105.80197903 81.89544432 107.08980827 82.88989258 108.37060547 C84.18359375 110.09375 84.18359375 110.09375 86 113 C84.72258563 116.83224312 83.41147459 117.2501374 79.98828125 119.30078125 C78.40080078 120.26274414 78.40080078 120.26274414 76.78125 121.24414062 C75.62505088 121.93367908 74.46879975 122.62313031 73.3125 123.3125 C70.94171187 124.74230521 68.57444821 126.17790304 66.20703125 127.61328125 C65.30605209 128.1578447 65.30605209 128.1578447 64.38687134 128.71340942 C57.3970578 132.94850451 50.53201077 137.37798832 43.6809082 141.83325195 C42.827146 142.38327881 41.97338379 142.93330566 41.09375 143.5 C40.34802734 143.9846875 39.60230469 144.469375 38.83398438 144.96875 C37 146 37 146 35 146 C33.6492395 144.02066779 32.4381083 142.05779444 31.24609375 139.984375 C30.87358994 139.35047852 30.50108612 138.71658203 30.11729431 138.06347656 C29.30903658 136.68639627 28.50410856 135.30735757 27.7020874 133.92663574 C25.99337239 130.98555775 24.2685418 128.05405988 22.54418945 125.12213135 C21.65816806 123.61554306 20.77292254 122.10849822 19.88842773 120.60101318 C15.78337742 113.60998925 11.5938054 106.67281149 7.375 99.75 C6.67930774 98.60712937 5.98366982 97.46422566 5.28808594 96.32128906 C3.89767074 94.03733437 2.50647266 91.75385894 1.11474609 89.47070312 C-2.53383728 83.4842193 -6.17315116 77.49210047 -9.8125 71.5 C-10.16637787 70.91755524 -10.52025574 70.33511047 -10.88485718 69.73501587 C-16.09531541 61.15830348 -21.27870891 52.5657496 -26.4230957 43.94921875 C-26.86999756 43.2015625 -27.31689941 42.45390625 -27.77734375 41.68359375 C-28.16140381 41.03962646 -28.54546387 40.39565918 -28.94116211 39.73217773 C-29.92076109 38.12962879 -30.95814112 36.56278832 -32 35 C-31.6799146 31.66309364 -30.37999275 30.01100499 -28.04077148 27.70019531 C-27.4202037 27.07985413 -26.79963593 26.45951294 -26.16026306 25.82037354 C-25.48733719 25.16293152 -24.81441132 24.5054895 -24.12109375 23.828125 C-23.4344313 23.1457074 -22.74776886 22.46328979 -22.04029846 21.76019287 C-19.84630585 19.58298804 -17.64211084 17.41644719 -15.4375 15.25 C-13.94788366 13.77543029 -12.4589428 12.30017787 -10.97070312 10.82421875 C-7.32159192 7.20817824 -3.66329621 3.60166712 0 0 Z " fill="#FDFDFD" transform="translate(3056,2173)"/>
<path d="M0 0 C0.52170776 1.57297852 0.52170776 1.57297852 1.05395508 3.17773438 C2.35513089 7.09947697 3.65834884 11.02053849 4.9621582 14.94140625 C5.52423181 16.63262975 6.08576483 18.32403302 6.64672852 20.015625 C7.45704466 22.45881822 8.26935704 24.90134027 9.08203125 27.34375 C9.32903275 28.08991577 9.57603424 28.83608154 9.83052063 29.6048584 C11.4447486 34.44805028 13.18265699 39.22917995 15 44 C-13.01765167 58.87833916 -42.59231178 66.26294991 -74 70 C-75.11290405 70.15359985 -75.11290405 70.15359985 -76.24829102 70.31030273 C-98.93465956 73.28543272 -122.65913676 71.16942655 -145 67 C-146.50844482 66.72712158 -146.50844482 66.72712158 -148.04736328 66.44873047 C-168.89891144 62.5952404 -188.78442695 55.97676939 -207.95654297 46.95117188 C-211.61422653 45.24862287 -215.30858114 43.62779646 -219 42 C-215.05228977 40.85966957 -212.07825351 41.25476561 -208 41.875 C-162.1261556 48.77551473 -118.2037429 41.31493495 -74.9375 25.6875 C-72.6533954 24.87452464 -70.36889029 24.06267364 -68.08398438 23.25195312 C-56.06254263 18.97278063 -44.08739634 14.57612514 -32.15135193 10.06425476 C-5.52507053 0 -5.52507053 0 0 0 Z " fill="#FCFCFC" transform="translate(1541,3589)"/>
<path d="M0 0 C1.57000029 2.15484104 2.98366117 4.29401867 4.375 6.5625 C4.80981689 7.26705322 5.24463379 7.97160645 5.69262695 8.69750977 C23.53188797 38.12488238 36.27471697 69.77689827 41 104 C41.17515137 105.22726807 41.35030273 106.45453613 41.53076172 107.71899414 C43.04389107 118.92212596 43.39816626 130.01676213 43.375 141.3125 C43.37518127 142.68122757 43.37518127 142.68122757 43.37536621 144.0776062 C43.34548923 160.00985337 42.11072152 175.33978597 39 191 C38.83983398 191.83160645 38.67966797 192.66321289 38.51464844 193.52001953 C35.93184032 206.59034471 32.26349748 220.19786083 26 232 C25.67 232 25.34 232 25 232 C24.98541748 230.93378418 24.97083496 229.86756836 24.95581055 228.76904297 C24.65077672 199.74464824 24.65077672 199.74464824 21 171 C20.76071777 169.66702881 20.76071777 169.66702881 20.51660156 168.30712891 C15.8612176 142.80080738 6.59172329 119.07930003 -3.97900391 95.51318359 C-6.27781878 90.38743805 -8.55049247 85.25019295 -10.82421875 80.11328125 C-17.22503801 65.66332467 -23.63873338 51.21907159 -30.13671875 36.8125 C-30.44634552 36.12527359 -30.75597229 35.43804718 -31.07498169 34.72999573 C-32.48109281 31.60952326 -33.89054562 28.49072004 -35.30664062 25.37475586 C-35.78681641 24.31135986 -36.26699219 23.24796387 -36.76171875 22.15234375 C-37.17381592 21.24476318 -37.58591309 20.33718262 -38.01049805 19.40209961 C-38.88910969 17.26919561 -39.51694013 15.25089524 -40 13 C-38.76507812 12.64808594 -37.53015625 12.29617187 -36.2578125 11.93359375 C-26.50177318 9.10544724 -16.97693004 6.01151835 -7.56298828 2.18530273 C-2.17343838 0 -2.17343838 0 0 0 Z " fill="#FCFCFC" transform="translate(3645,2493)"/>
<path d="M0 0 C3.01127815 2.64406335 4.86133793 5.88417631 6.8515625 9.30859375 C7.22256073 9.93806412 7.59355896 10.56753448 7.97579956 11.21607971 C8.77671799 12.57578688 9.57564888 13.93666635 10.37280273 15.29858398 C12.51244411 18.95337011 14.66709859 22.59929305 16.8203125 26.24609375 C17.25792908 26.98806 17.69554565 27.73002625 18.14642334 28.49447632 C22.20452679 35.36659105 26.34181826 42.18801734 30.5 49 C37.14099998 59.88898108 43.67351392 70.83903841 50.16055298 81.82040405 C55.10755142 90.19347259 60.07163154 98.54554655 65.41186523 106.67675781 C67.16020959 109.384954 68 110.69736196 68 114 C67.1342334 114.3623877 66.2684668 114.72477539 65.37646484 115.09814453 C62.0922518 116.47316539 58.8082633 117.84872001 55.52441406 119.22460938 C54.11662283 119.81433383 52.70874833 120.40385957 51.30078125 120.99316406 C49.93297089 121.5656904 48.56531549 122.1385871 47.19781494 122.71185303 C45.83032956 123.28467615 44.46228528 123.8561668 43.09368896 124.42633057 C39.70592485 125.84228288 36.33762172 127.2880255 32.99316406 128.80371094 C32.04058212 129.2299324 32.04058212 129.2299324 31.0687561 129.6647644 C29.33450915 130.44370315 27.60577442 131.23488132 25.87744141 132.02685547 C22.90650258 133.03162063 21.78625946 133.37002453 19 132 C17.48291016 130.42797852 17.48291016 130.42797852 16.0390625 128.37890625 C15.4925 127.61771484 14.9459375 126.85652344 14.3828125 126.07226562 C13.80273438 125.24404297 13.22265625 124.41582031 12.625 123.5625 C11.36935411 121.8122457 10.11148502 120.06358452 8.8515625 118.31640625 C7.8910498 116.98053467 7.8910498 116.98053467 6.91113281 115.61767578 C4.0313269 111.67320988 1.02219111 107.83579228 -2 104 C-7.33451372 97.2010225 -12.50232957 90.29719703 -17.60498047 83.32299805 C-22.04420384 77.26709675 -26.56565163 71.27839245 -31.125 65.3125 C-31.79200928 64.43891846 -32.45901855 63.56533691 -33.14624023 62.6652832 C-34.46116521 60.94328468 -35.77618619 59.22135946 -37.09130859 57.49951172 C-40.04652468 53.62953189 -42.99880197 49.75754291 -45.9375 45.875 C-46.43975098 45.21798096 -46.94200195 44.56096191 -47.45947266 43.8840332 C-49.43349969 41.26794114 -50.95587348 39.13237956 -52 36 C-51.42258057 35.60844727 -50.84516113 35.21689453 -50.25024414 34.81347656 C-39.05677613 27.21739428 -27.90693192 19.57112726 -16.875 11.7421875 C-11.28530716 7.7772096 -5.64406644 3.88704402 0 0 Z " fill="#FDFDFD" transform="translate(2304,1039)"/>
<path d="M0 0 C1.96909777 1.52948648 3.25737823 2.98920462 4.70263672 5.02075195 C5.23888672 5.76325195 5.77513672 6.50575195 6.32763672 7.27075195 C6.89998047 8.07899414 7.47232422 8.88723633 8.06201172 9.7199707 C9.315545 11.45685792 10.57081832 13.19249038 11.82763672 14.92700195 C12.48054688 15.83015137 13.13345703 16.73330078 13.80615234 17.66381836 C17.07228935 22.13130225 20.44267655 26.51760789 23.81201172 30.9074707 C29.46027561 38.2847535 35.01747239 45.72044993 40.50317383 53.21923828 C45.69428415 60.29600518 51.02108825 67.26630041 56.39599609 74.2043457 C60.17797306 79.1213005 63.61627081 84.08941434 66.81201172 89.4074707 C59.20005895 88.80809152 51.70203994 87.86057142 44.16357422 86.6574707 C41.86055203 86.2965529 39.55749024 85.93588777 37.25439453 85.57543945 C36.04497192 85.3851416 34.83554932 85.19484375 33.58947754 84.9987793 C27.71079897 84.07855571 21.82862329 83.18129562 15.94655609 82.28305054 C12.49524484 81.75560139 9.04426453 81.22599598 5.59326172 80.6965332 C1.38408673 80.05079177 -2.82514377 79.40542447 -7.03466797 78.76196289 C-21.78153591 76.50738224 -36.51834863 74.21446388 -51.2285614 71.72927856 C-60.0031016 70.25328199 -68.79839961 69.00387835 -77.61572266 67.80981445 C-83.20611349 67.03541572 -88.68621009 66.14403285 -94.17944336 64.84936523 C-98.44990472 63.90983259 -102.8127358 63.49900477 -107.14892578 62.9699707 C-110.18798828 62.4074707 -110.18798828 62.4074707 -113.18798828 60.4074707 C-112.55521973 60.06603027 -111.92245117 59.72458984 -111.27050781 59.37280273 C-98.7129049 52.59319617 -86.17975603 45.77600088 -73.71923828 38.81958008 C-59.3916485 30.82664226 -45.04389799 22.8695759 -30.68154907 14.93927002 C-29.46070429 14.26513257 -28.23997574 13.59078458 -27.01937866 12.91619873 C-24.19285445 11.35433186 -21.36390798 9.79748708 -18.52880859 8.2512207 C-16.19607976 6.96382169 -13.88918029 5.65672034 -11.58935547 4.3137207 C-11.00197601 3.97836304 -10.41459656 3.64300537 -9.80941772 3.29748535 C-8.18171163 2.3681254 -6.56225304 1.42436342 -4.94335938 0.47973633 C-2.18798828 -0.5925293 -2.18798828 -0.5925293 0 0 Z " fill="#FDFDFD" transform="translate(1993.18798828125,755.592529296875)"/>
<path d="M0 0 C0.33 0 0.66 0 1 0 C2.5691621 18.61945073 4.13402769 37.23925782 5.69381714 55.85949612 C6.41819733 64.50570516 7.14396867 73.15179316 7.87304688 81.79760742 C8.50870668 89.33565705 9.14172387 96.87392319 9.77160454 104.412458 C10.10503143 108.40187563 10.4397563 112.39117451 10.77764893 116.3802166 C11.09607595 120.13995189 11.41095085 123.89996832 11.72318268 127.66022301 C11.89243525 129.6876232 12.065382 131.71471394 12.23846436 133.74179077 C13.83368806 153.07994023 13.83368806 153.07994023 8.4375 161.0625 C7.42042239 162.64443448 6.40350377 164.22647119 5.38671875 165.80859375 C4.83806152 166.64632324 4.2894043 167.48405273 3.72412109 168.34716797 C1.30497071 172.0694121 -1.03339542 175.84015709 -3.37646484 179.6105957 C-5.28220662 182.6768185 -7.19643622 185.73758262 -9.11328125 188.796875 C-9.7573291 189.82490234 -10.40137695 190.85292969 -11.06494141 191.91210938 C-12.33541196 193.93947647 -13.60591861 195.96682095 -14.87646484 197.99414062 C-22.7139538 210.50274823 -30.49734194 223.04223288 -38.21923828 235.62255859 C-42.67385282 242.87072645 -47.18720578 250.07841913 -51.74780273 257.26025391 C-56.93525188 265.44360065 -61.97304676 273.71740184 -67 282 C-68.07105384 278.72689318 -67.90283025 276.62059497 -67.06640625 273.30078125 C-66.8338916 272.35678467 -66.60137695 271.41278809 -66.36181641 270.44018555 C-66.09804199 269.40804932 -65.83426758 268.37591309 -65.5625 267.3125 C-64.9986553 265.03386471 -64.43485548 262.75521832 -63.87109375 260.4765625 C-63.56671387 259.26129883 -63.26233398 258.04603516 -62.94873047 256.79394531 C-61.31595515 250.26452472 -59.71748499 243.72683677 -58.125 237.1875 C-57.95527679 236.4921817 -57.78555359 235.7968634 -57.61068726 235.08047485 C-55.22589215 225.29600042 -52.98341513 215.48903083 -50.84295654 205.64846802 C-45.39418023 180.63220994 -39.16351313 155.80534943 -32.98480225 130.96136475 C-31.98131247 126.92596374 -30.98010749 122.88999741 -29.97900391 118.85400391 C-22.99427315 90.70145175 -16.00947665 62.54958873 -8.53637695 34.52172852 C-5.48778215 23.06112488 -2.69884438 11.547825 0 0 Z " fill="#FCFCFC" transform="translate(3307,2235)"/>
<path d="M0 0 C0.86916887 1.40751221 1.71985149 2.8264521 2.5625 4.25 C3.03816406 5.03890625 3.51382812 5.8278125 4.00390625 6.640625 C5.17926119 9.42460298 4.99215291 10.21348393 4 13 C2.84176159 14.54134846 2.84176159 14.54134846 1.36308289 16.03132629 C0.80374054 16.60201843 0.24439819 17.17271057 -0.33189392 17.76069641 C-0.94851395 18.37438583 -1.56513397 18.98807526 -2.20043945 19.62036133 C-2.84764954 20.27604095 -3.49485962 20.93172058 -4.16168213 21.60726929 C-6.30442005 23.77341749 -8.45819453 25.92817305 -10.61328125 28.08203125 C-12.10472324 29.58057079 -13.59586412 31.07941006 -15.0867157 32.57853699 C-18.2130295 35.7183038 -21.34522875 38.85205913 -24.48120117 41.98217773 C-28.50677316 46.00184384 -32.51377353 50.03948016 -36.51614094 54.08223438 C-39.58981038 57.1816972 -42.67481883 60.26967442 -45.76323509 63.35443687 C-47.24601215 64.83891207 -48.72478714 66.32739561 -50.1995182 67.81986427 C-52.25847877 69.90085455 -54.33256463 71.9654786 -56.41137695 74.02661133 C-57.32719795 74.96232719 -57.32719795 74.96232719 -58.26152039 75.91694641 C-59.98213196 77.60359192 -59.98213196 77.60359192 -63 80 C-66.49697684 79.54946956 -68.56404333 78.04287087 -71.31640625 75.89453125 C-72.57167114 74.92459229 -72.57167114 74.92459229 -73.85229492 73.93505859 C-74.7466626 73.23461426 -75.64103027 72.53416992 -76.5625 71.8125 C-78.46511274 70.34111108 -80.3687799 68.87108471 -82.2734375 67.40234375 C-83.2334668 66.66097168 -84.19349609 65.91959961 -85.18261719 65.15576172 C-89.30624916 62.00050432 -93.49305123 58.93510375 -97.6875 55.875 C-103.87316843 51.34969857 -109.96899943 46.72938365 -116 42 C-123.58768217 36.0513301 -131.31013293 30.30890502 -139.0859375 24.609375 C-144.41122934 20.70459341 -149.71045272 16.76553393 -155 12.8125 C-155.85513184 12.17642822 -156.71026367 11.54035645 -157.59130859 10.88500977 C-158.38617676 10.29002686 -159.18104492 9.69504395 -160 9.08203125 C-160.70125 8.55843018 -161.4025 8.0348291 -162.125 7.49536133 C-163.88441362 6.09218315 -165.42448209 4.60255192 -167 3 C-141.78238059 1.95374863 -116.551325 1.52821382 -91.31762695 1.07006836 C-85.2793176 0.96036595 -79.24110632 0.84601468 -73.20290565 0.73050499 C-48.80104807 0.26581224 -24.40720582 -0.19151765 0 0 Z " fill="#FDFDFD" transform="translate(1871,3318)"/>
<path d="M0 0 C-1.40876737 4.54866558 -3.22278353 8.78096576 -5.31640625 13.046875 C-5.64488052 13.72323502 -5.9733548 14.39959503 -6.31178284 15.09645081 C-7.39143216 17.31623652 -8.47674765 19.53319381 -9.5625 21.75 C-10.32091665 23.30487513 -11.07921561 24.85980767 -11.83740234 26.41479492 C-19.15609389 41.4016047 -26.61373659 56.31883505 -34.10253906 71.22119141 C-37.07756634 77.14285166 -40.03840148 83.07161527 -43 89 C-58.25590096 87.7376361 -73.47330993 86.25155342 -88.6875 84.5625 C-90.69218876 84.34191916 -92.69690921 84.12162622 -94.70166016 83.90161133 C-98.64446535 83.46881039 -102.58716067 83.03502968 -106.52978516 82.60058594 C-113.97660493 81.78137565 -121.42555819 80.9824567 -128.875 80.1875 C-130.03217529 80.06383057 -131.18935059 79.94016113 -132.3815918 79.81274414 C-134.92102422 79.5414807 -137.46048897 79.27052631 -140 79 C-136.82809912 74.01224432 -133.23014821 69.52782576 -129.4375 65 C-124.98311736 59.64198918 -120.5861084 54.25334507 -116.3125 48.75 C-112.30418165 43.59665781 -108.15878435 38.58380535 -103.91992188 33.61889648 C-101.16555747 30.38945376 -98.46148504 27.1289051 -95.8125 23.8125 C-95.20785416 23.07232635 -94.60320831 22.33215271 -93.98023987 21.56954956 C-91.9749101 19.0709123 -91.9749101 19.0709123 -90.47080994 16.44607544 C-87.66353023 12.09806545 -85.42565164 9.49175109 -80.45022583 7.77557373 C-76.0486878 6.86791181 -71.59895258 6.46494742 -67.12890625 6.0546875 C-65.47995804 5.87096619 -63.83143328 5.68340806 -62.18333435 5.49221802 C-57.86183167 5.00188003 -53.5364864 4.56620443 -49.20812988 4.14129639 C-44.8216893 3.69977836 -40.44169575 3.20170731 -36.06054688 2.7109375 C-9.04697321 -0.26603075 -9.04697321 -0.26603075 0 0 Z " fill="#FDFDFD" transform="translate(2553,2786)"/>
<path d="M0 0 C17.5896589 4.50611486 34.76447163 10.55013777 51.96459961 16.33374023 C60.47723492 19.19099964 69.01050555 21.97414668 77.56640625 24.69921875 C87.49474833 27.86225892 97.40233898 31.08476307 107.30078125 34.33984375 C107.99571938 34.56830742 108.6906575 34.79677109 109.40665436 35.0321579 C115.84771924 37.14996275 122.28785133 39.27059846 128.7277832 41.3918457 C132.30290245 42.56934912 135.87847014 43.74548244 139.45430565 44.92080879 C141.44665069 45.57615022 143.4384561 46.2331135 145.43025208 46.89012146 C146.63058578 47.28466019 147.83091949 47.67919891 149.06762695 48.08569336 C150.12029251 48.43240585 151.17295807 48.77911835 152.25752258 49.13633728 C154.48160947 49.83674813 156.73785363 50.43446341 159 51 C159.99 56.94 159.99 56.94 161 63 C148.27862954 69.89972635 135.33855677 76.31423849 122.29833984 82.58374023 C120.86163857 83.27454547 119.42495256 83.96538244 117.98828125 84.65625 C117.26513733 85.0038588 116.54199341 85.35146759 115.79693604 85.70960999 C111.07877144 87.98288334 106.37882415 90.29044469 101.6890564 92.62171936 C98.47096217 94.22125955 95.2487342 95.81237875 92.02636719 97.40328979 C90.47368582 98.17284358 88.9230386 98.94651597 87.37451172 99.72439575 C85.21707435 100.80752632 83.05289816 101.87589322 80.88671875 102.94140625 C80.24655319 103.26761963 79.60638763 103.59383301 78.94682312 103.92993164 C76.56256308 105.08927166 74.51884267 105.98062877 71.84863281 106.08032227 C68.88044399 104.34574282 67.34097003 101.60777739 65.53515625 98.7734375 C64.89737244 97.80406502 64.89737244 97.80406502 64.2467041 96.81510925 C63.32563772 95.41231268 62.4098762 94.00602193 61.49880981 92.59671021 C60.04248518 90.34404072 58.5729882 88.10051719 57.09936523 85.85913086 C55.57183026 83.53560671 54.04505683 81.21162802 52.52235413 78.88493347 C48.0295682 72.02181273 43.45100152 65.21975506 38.83758545 58.43731689 C37.55900924 56.55736738 36.28238663 54.67610605 35.00634766 52.79443359 C31.31043144 47.34503404 27.61068841 41.89823886 23.90917969 36.45263672 C21.2629778 32.55930692 18.6193217 28.66425786 15.97702026 24.76828003 C14.96198722 23.27276273 13.94599727 21.77789438 12.9289856 20.28372192 C11.51151255 18.20114436 10.0972354 16.1164295 8.68359375 14.03125 C8.26786102 13.42216293 7.8521283 12.81307587 7.42379761 12.18553162 C4.7447641 8.22481999 2.3296861 4.17631131 0 0 Z " fill="#FDFDFD" transform="translate(1324,3132)"/>
<path d="M0 0 C1.7074998 1.28062485 3.37373596 2.61767557 5 4 C5 4.66 5 5.32 5 6 C5.99 6.33 6.98 6.66 8 7 C10.37324136 9.23363892 12.59802274 11.573167 14.83203125 13.9453125 C21.35650315 20.69977507 28.51007149 26.37292516 36 32 C36.55284668 32.41894531 37.10569336 32.83789062 37.67529297 33.26953125 C52.00063837 44.06171971 67.39929937 52.94533268 83.5 60.8125 C84.5418042 61.32723877 85.5836084 61.84197754 86.65698242 62.37231445 C107.38882213 72.27525022 130.06885493 78.35010258 151.86358643 85.48956299 C156.07617043 86.8699375 160.28806554 88.25241069 164.5 89.63476562 C169.2341804 91.18845698 173.96841838 92.7419696 178.70321655 94.29377747 C179.41896347 94.52839691 180.13471039 94.76301636 180.87214661 95.00474548 C182.79529193 95.63509675 184.71849044 96.26528575 186.64169312 96.89546204 C189.76384051 97.92232779 192.88280717 98.95820281 196 100 C195.43732422 101.48886719 195.43732422 101.48886719 194.86328125 103.0078125 C193.5034436 106.61303626 192.15327587 110.22179897 190.80810547 113.83251953 C190.08445131 115.77348679 189.35693329 117.71301246 188.62890625 119.65234375 C185.56013658 127.99825004 183.16057397 136.38184462 181 145 C156.33516863 140.55224352 133.03319661 131.92341507 111 120 C109.85015625 119.38898437 108.7003125 118.77796875 107.515625 118.1484375 C94.15304714 110.80204288 81.66657608 101.80354145 70 92 C69.46810059 91.55688477 68.93620117 91.11376953 68.38818359 90.65722656 C57.81761551 81.83417642 47.81731991 72.61246289 39 62 C38.58024902 61.49936035 38.16049805 60.9987207 37.72802734 60.48291016 C25.86346927 46.26607448 15.78211713 31.07081957 6.97412109 14.79248047 C6.03455342 13.06358176 5.07428629 11.34598151 4.11328125 9.62890625 C0 2.25568182 0 2.25568182 0 0 Z " fill="#FCFCFC" transform="translate(535,2838)"/>
<path d="M0 0 C4.03805866 1.36266644 6.54368118 3.1409151 9.625 6.0625 C13.08420957 9.26660562 16.58276566 12.34842269 20.25 15.3125 C24.56450885 18.80432708 28.79709511 22.37576419 33 26 C37.12455611 29.55467214 41.27208312 33.0679263 45.5 36.5 C50.34596789 40.4337857 55.08098528 44.48447759 59.80859375 48.55859375 C64.19681749 52.33227412 68.65813165 56.00534689 73.15234375 59.65234375 C76.49668655 62.40947684 79.78075797 65.23143525 83.0625 68.0625 C88.6066768 72.84410613 94.23576197 77.48423748 100 82 C98.43667078 85.99207282 95.63950856 88.4160785 92.5 91.1875 C91.96391113 91.66944824 91.42782227 92.15139648 90.87548828 92.64794922 C89.77769288 93.63391707 88.67759543 94.61732787 87.57519531 95.59814453 C85.33112019 97.59527401 83.10437291 99.61148701 80.875 101.625 C80.07707031 102.34042969 79.27914063 103.05585937 78.45703125 103.79296875 C76.72051024 105.35280081 74.98923588 106.91848323 73.26171875 108.48828125 C72.37097656 109.29652344 71.48023438 110.10476563 70.5625 110.9375 C69.75941406 111.66839844 68.95632813 112.39929687 68.12890625 113.15234375 C66 115 66 115 63 117 C59.15212344 116.68031826 56.6836408 115.38981752 53.5546875 113.203125 C52.21796997 112.28067993 52.21796997 112.28067993 50.85424805 111.33959961 C49.87109619 110.65003174 48.88794434 109.96046387 47.875 109.25 C46.24656248 108.12508181 44.61806045 107.00025541 42.98826599 105.87730408 C41.76888996 105.03707269 40.55013436 104.19594035 39.33192444 103.35401917 C30.79038702 97.45796746 22.17316166 91.67335467 13.5647583 85.87561035 C10.73563211 83.9699216 7.90747521 82.06280287 5.07958984 80.15527344 C-3.93065697 74.07881861 -12.94879244 68.0153209 -22 62 C-23.48454353 61.01066951 -24.96893259 60.02110716 -26.453125 59.03125 C-27.09121094 58.60585937 -27.72929688 58.18046875 -28.38671875 57.7421875 C-31.2578125 55.828125 -34.12890625 53.9140625 -37 52 C-33.12627868 46.11214964 -29.14261822 40.3265287 -25 34.625 C-24.44965088 33.86477539 -23.89930176 33.10455078 -23.33227539 32.32128906 C-18.48645054 25.64012083 -13.590409 18.99597551 -8.66992188 12.36962891 C-5.66570896 8.31288983 -2.75505667 4.23025816 0 0 Z " fill="#FDFDFD" transform="translate(1951,1025)"/>
<path d="M0 0 C53.79108705 0.92072688 107.33100575 21.03310642 149 55 C149.60505371 55.48936035 150.21010742 55.9787207 150.83349609 56.48291016 C171.38240434 73.21534991 188.47094799 92.88468307 203 115 C201.69950909 117.8814646 200.34060182 119.88646656 198.05859375 122.06640625 C197.18908081 122.91090332 197.18908081 122.91090332 196.30200195 123.77246094 C195.68671631 124.36317383 195.07143066 124.95388672 194.4375 125.5625 C189.12828832 130.74561024 184.31388747 136.01684909 179.76953125 141.890625 C178 144 178 144 175 146 C171.02456645 142.11749866 167.1227364 138.21676477 163.5 134 C160.48358077 130.48998489 157.26904868 127.24948724 153.97265625 124.00390625 C151.42662171 121.41753849 149.07978443 118.6846472 146.71484375 115.93359375 C144.4995262 113.43568444 142.1310183 111.11975011 139.75 108.78125 C137.29365151 106.28103815 135.03690632 103.62319484 132.75 100.96875 C131.06201714 99.06976929 129.31230266 97.27994012 127.5 95.5 C125.06610268 93.10946833 122.78644441 90.64953738 120.5625 88.0625 C118.14382221 85.25423653 115.64100317 82.60029407 113 80 C110.48238304 77.52074673 108.09909278 75.00559816 105.8125 72.3125 C97.39939423 62.57706097 88.08548307 53.97078501 78 46 C77.14148437 45.27425781 76.28296875 44.54851562 75.3984375 43.80078125 C67.99739422 37.54591724 60.18236601 32.16444401 52 27 C51.35321289 26.59136719 50.70642578 26.18273437 50.04003906 25.76171875 C34.26947912 15.91000555 17.32441669 7.74348263 0 1 C0 0.67 0 0.34 0 0 Z " fill="#FDFDFD" transform="translate(2118,376)"/>
<path d="M0 0 C3.66644575 1.34287817 6.72778771 2.99118296 9.96484375 5.16796875 C10.92003906 5.80734375 11.87523437 6.44671875 12.859375 7.10546875 C13.87515625 7.79253906 14.8909375 8.47960938 15.9375 9.1875 C16.98550781 9.89132812 18.03351563 10.59515625 19.11328125 11.3203125 C29.7779473 18.49402671 40.39801728 25.73404045 51 33 C49.82250482 36.17658559 48.60159259 38.81515576 46.53125 41.49609375 C46.04793213 42.12950684 45.56461426 42.76291992 45.06665039 43.41552734 C44.54965576 44.08277832 44.03266113 44.7500293 43.5 45.4375 C42.40366356 46.87532367 41.30863138 48.31414269 40.21484375 49.75390625 C39.66940918 50.47078613 39.12397461 51.18766602 38.56201172 51.92626953 C36.34286794 54.87241008 34.19479433 57.86566038 32.0625 60.875 C31.24746937 62.02348969 30.43236345 63.17192595 29.6171875 64.3203125 C28.98828613 65.20638184 28.98828613 65.20638184 28.34667969 66.11035156 C25.81051834 69.66906962 23.24792099 73.20871743 20.6875 76.75 C20.1419043 77.50490723 19.59630859 78.25981445 19.03417969 79.03759766 C16.7944405 82.13610035 14.55393535 85.23404886 12.31347656 88.33203125 C10.64616234 90.63778827 8.97919824 92.94379769 7.3125 95.25 C6.77020752 96.00031494 6.22791504 96.75062988 5.66918945 97.52368164 C2.79863015 101.49860346 -0.06188956 105.48027267 -2.9050293 109.47485352 C-4.10540738 111.15999505 -5.31008738 112.84198444 -6.515625 114.5234375 C-8.33354069 117.0594152 -10.1297737 119.60978967 -11.921875 122.1640625 C-12.90580071 123.54719473 -13.89016608 124.9300143 -14.875 126.3125 C-15.55393311 127.29222778 -15.55393311 127.29222778 -16.24658203 128.29174805 C-19.47278356 132.78422464 -19.47278356 132.78422464 -21.88348389 133.77085876 C-24.48061215 134.05203271 -25.90024163 133.54718945 -28.30957031 132.55297852 C-29.15013977 132.2125502 -29.99070923 131.87212189 -30.85675049 131.52137756 C-32.20383087 130.95585426 -32.20383087 130.95585426 -33.578125 130.37890625 C-34.5046991 130.00015854 -35.43127319 129.62141083 -36.38592529 129.23118591 C-39.34505553 128.01877966 -42.29747023 126.790881 -45.25 125.5625 C-47.25478572 124.73790407 -49.25998944 123.91432361 -51.265625 123.09179688 C-56.18199486 121.07295717 -61.09294134 119.04135971 -66 117 C-65.46035611 113.77526502 -64.80094656 111.25500215 -63.1015625 108.4609375 C-62.7106543 107.80859131 -62.31974609 107.15624512 -61.91699219 106.48413086 C-61.27745605 105.44011108 -61.27745605 105.44011108 -60.625 104.375 C-59.70497684 102.84289943 -58.78573314 101.31033059 -57.8671875 99.77734375 C-57.15320801 98.59180908 -57.15320801 98.59180908 -56.42480469 97.38232422 C-54.15771646 93.5916719 -51.9546526 89.76468923 -49.75 85.9375 C-46.13395997 79.67565601 -42.49909139 73.42517335 -38.84985352 67.18261719 C-33.29704541 57.68345467 -27.78693414 48.1621906 -22.33935547 38.60229492 C-14.97740006 25.68617236 -7.50529503 12.83328604 0 0 Z " fill="#FDFDFD" transform="translate(1839,1044)"/>
<path d="M0 0 C6.16827585 5.22934621 11.9529942 10.57905073 17.23828125 16.71484375 C20.94905275 20.97561335 24.79886805 25.08936664 28.6875 29.1875 C33.50738603 34.28702486 38.31381465 39.39656273 43.0625 44.5625 C47.51287855 49.4023152 51.9985302 54.20767299 56.5 59 C66.43182205 69.57746614 76.25925241 80.24638707 86 91 C82.62860676 92.12379775 81.06607483 91.87632337 77.59375 91.32250977 C76.47536743 91.14775116 75.35698486 90.97299255 74.20471191 90.79293823 C72.37087952 90.4951799 72.37087952 90.4951799 70.5 90.19140625 C69.22169312 89.98967804 67.94338623 89.78794983 66.62634277 89.58010864 C63.1414653 89.03011694 59.65802865 88.47144715 56.17477417 87.91128159 C52.53727394 87.32791384 48.89847835 86.75274962 45.25976562 86.17700195 C39.34186399 85.23980637 33.42462627 84.29852988 27.5078125 83.35449219 C16.56563518 81.60933774 5.61853141 79.8958002 -5.32885742 78.1836853 C-10.51116548 77.37281508 -15.69307795 76.5594265 -20.875 75.74609375 C-21.83877563 75.59487564 -22.80255127 75.44365753 -23.79553223 75.28785706 C-28.90226464 74.48654053 -34.00883293 73.68419051 -39.11523438 72.88076782 C-56.39705641 70.16248123 -73.68931059 67.52840719 -91 65 C-91 64.34 -91 63.68 -91 63 C-89.078125 61.546875 -89.078125 61.546875 -86.25 59.75 C-80.58576346 56.06691661 -75.02727344 52.26059393 -69.5 48.375 C-68.64567383 47.77526367 -67.79134766 47.17552734 -66.91113281 46.55761719 C-65.15010742 45.32104124 -63.38936763 44.08405847 -61.62890625 42.84667969 C-57.42310515 39.89230752 -53.2114086 36.94637055 -49 34 C-43.98590586 30.49165456 -38.97288294 26.98182882 -33.96484375 23.46484375 C-22.70028634 15.55870437 -11.37661202 7.74403878 0 0 Z " fill="#FDFDFD" transform="translate(2578,848)"/>
<path d="M0 0 C2.30056233 2.30056233 2.77667107 3.84906781 3.78759766 6.92114258 C4.29790024 8.45832695 4.29790024 8.45832695 4.81851196 10.02656555 C5.36080948 11.69370857 5.36080948 11.69370857 5.9140625 13.39453125 C6.4758168 15.10379036 6.4758168 15.10379036 7.04891968 16.84757996 C7.84034386 19.2617303 8.62863854 21.67690845 9.4140625 24.09301758 C10.61766228 27.78996165 11.83549512 31.48200123 13.0546875 35.17382812 C13.82118087 37.5179454 14.58683372 39.86233771 15.3515625 42.20703125 C15.71714264 43.31238724 16.08272278 44.41774323 16.4593811 45.55659485 C16.7932785 46.59084091 17.1271759 47.62508698 17.47119141 48.69067383 C17.91514755 50.05063225 17.91514755 50.05063225 18.36807251 51.43806458 C19.01453864 54.05894199 19.11845763 56.31204083 19 59 C12.49721807 61.70405416 5.9825908 64.05238761 -0.76171875 66.07421875 C-2.14952545 66.49643707 -2.14952545 66.49643707 -3.56536865 66.92718506 C-6.60491032 67.85119113 -9.6461945 68.76931796 -12.6875 69.6875 C-17.05789447 71.01364374 -21.42737291 72.34279438 -25.796875 73.671875 C-26.93382309 74.01725815 -28.07077118 74.3626413 -29.24217224 74.7184906 C-37.96732153 77.372073 -46.68109772 80.06134388 -55.390625 82.765625 C-56.6648155 83.16101114 -57.93901082 83.55638171 -59.21321106 83.95173645 C-64.18858898 85.49596038 -69.16379807 87.04070187 -74.13754272 88.59017944 C-77.58964689 89.66540302 -81.042772 90.7372884 -84.49609375 91.80859375 C-85.53336609 92.13285339 -86.57063843 92.45711304 -87.63934326 92.79119873 C-88.58392395 93.08367493 -89.52850464 93.37615112 -90.50170898 93.67749023 C-91.32654282 93.93425034 -92.15137665 94.19101044 -93.00120544 94.45555115 C-95 95 -95 95 -97 95 C-97.39771606 94.26402588 -97.39771606 94.26402588 -97.8034668 93.51318359 C-103.93955744 82.18763125 -110.26911034 71.00976216 -116.93432617 59.98583984 C-117.73060425 58.65866943 -117.73060425 58.65866943 -118.54296875 57.3046875 C-119.01758545 56.52077637 -119.49220215 55.73686523 -119.98120117 54.92919922 C-121 53 -121 53 -121 51 C-120.1555835 50.6503418 -119.31116699 50.30068359 -118.44116211 49.94042969 C-94.38338422 39.9691244 -70.4050466 29.81742549 -46.45002747 19.60198975 C-37.97379319 15.98758074 -29.49411203 12.38133933 -21.01156616 8.7817688 C-18.93500445 7.90046617 -16.8587322 7.0184842 -14.7824707 6.13647461 C-13.53989775 5.60916171 -12.29730466 5.08189623 -11.0546875 4.5546875 C-9.46889893 3.88155518 -9.46889893 3.88155518 -7.85107422 3.19482422 C-5.24425913 2.10236377 -2.62779158 1.04083528 0 0 Z " fill="#FDFDFD" transform="translate(2528,1105)"/>
<path d="M0 0 C3.30553682 1.10184561 3.6341271 1.52591165 5.4609375 4.2890625 C5.9245166 4.97476318 6.3880957 5.66046387 6.86572266 6.36694336 C7.61281494 7.4846814 7.61281494 7.4846814 8.375 8.625 C21.39019649 27.44278861 37.76269625 42.9990471 54 59 C52.82304565 60.1758667 52.82304565 60.1758667 51.62231445 61.37548828 C50.09026965 62.9088168 48.56195127 64.44591787 47.04296875 65.9921875 C43.2465318 69.84457195 39.35613985 73.49956785 35.2578125 77.02734375 C32.50553512 79.43201516 29.8137368 81.89991795 27.125 84.375 C21.78388013 89.28819384 16.40204212 94.15379501 11 99 C9.33307353 100.49971128 7.66640851 101.99971321 6 103.5 C3.52497766 105.72829114 1.04928246 107.9557884 -1.4296875 110.1796875 C-6.0203061 114.30097768 -10.58447107 118.44873788 -15.125 122.625 C-18.99367822 126.18253099 -22.90334125 129.68289575 -26.875 133.125 C-29.61823833 135.54550441 -32.30866253 138.02220116 -35 140.5 C-48.59345635 153 -48.59345635 153 -50 153 C-50.35835048 134.28614136 -49.15519224 116.28284586 -45 98 C-44.70900842 96.6433635 -44.41866438 95.28658798 -44.12890625 93.9296875 C-36.81408053 60.45999422 -21.93475814 26.50883093 0 0 Z " fill="#FDFDFD" transform="translate(922,2020)"/>
<path d="M0 0 C1.20410156 2.68823242 1.20410156 2.68823242 2.390625 6.35546875 C2.61208191 7.0283342 2.83353882 7.70119965 3.06170654 8.39445496 C3.80264182 10.65522758 4.52624321 12.92117482 5.25 15.1875 C5.76845913 16.78176182 6.28801418 18.3756676 6.80859375 19.96923828 C7.93795679 23.43272016 9.06008836 26.89844264 10.17773438 30.36572266 C12.09185907 36.2964589 14.03717582 42.21677519 15.984375 48.13671875 C17.32378579 52.21586093 18.66199764 56.29539566 20 60.375 C20.32069458 61.35173676 20.64138916 62.32847351 20.97180176 63.33480835 C24.21869595 73.23646035 27.42531588 83.12673151 30.20019531 93.17285156 C31.32978305 97.16571665 32.64747346 101.07767303 34 105 C30.07791307 103.50799571 26.38889452 101.7273822 22.66015625 99.8046875 C22.05674911 99.49355011 21.45334198 99.18241272 20.83164978 98.86184692 C19.55440291 98.20235284 18.27776721 97.5416739 17.00170898 96.87988281 C15.10143674 95.89517671 13.19835334 94.91608217 11.29492188 93.9375 C4.54007451 90.44990177 -2.09276747 86.82271013 -8.66770935 83.00559998 C-13.64895428 80.14211497 -18.75090303 77.56810349 -23.90260315 75.02735901 C-31.34701586 71.35285285 -38.67201348 67.46271427 -46 63.5625 C-47.46997284 62.78175183 -48.9400267 62.00115618 -50.41015625 61.22070312 C-53.43539197 59.61437567 -56.46005078 58.00696862 -59.484375 56.39892578 C-63.88251228 54.06123153 -68.28470981 51.73125936 -72.6875 49.40234375 C-84.67763192 43.05627111 -96.65968092 36.70827147 -108.48779297 30.06298828 C-113.57805703 27.20864642 -118.73219395 24.51478178 -124 22 C-124 21.34 -124 20.68 -124 20 C-123.1028125 19.89042969 -122.205625 19.78085937 -121.28125 19.66796875 C-120.0334375 19.50941406 -118.785625 19.35085938 -117.5 19.1875 C-116.2934375 19.03667969 -115.086875 18.88585937 -113.84375 18.73046875 C-107.61235231 17.85127266 -101.44290174 16.60677848 -95.26269531 15.42892456 C-91.35969533 14.68905802 -87.453286 13.96769742 -83.546875 13.24609375 C-82.74507812 13.09796738 -81.94328125 12.949841 -81.1171875 12.79722595 C-79.48375045 12.49561456 -77.85028679 12.19414723 -76.21679688 11.89282227 C-74.56502048 11.58793678 -72.91332838 11.28259426 -71.26171875 10.97680664 C-59.4828267 8.79608854 -47.7086257 6.65065734 -35.84741211 4.95996094 C-26.94139741 3.68912868 -18.14639839 2.11760394 -9.359375 0.18212891 C-8.17408203 -0.07044678 -8.17408203 -0.07044678 -6.96484375 -0.328125 C-5.92251587 -0.55870605 -5.92251587 -0.55870605 -4.85913086 -0.79394531 C-3 -1 -3 -1 0 0 Z " fill="#FCFCFC" transform="translate(2430,800)"/>
<path d="M0 0 C1.40145883 0.29667152 2.80107226 0.60215974 4.19897461 0.91516113 C4.9706749 1.08097183 5.74237518 1.24678253 6.53746033 1.4176178 C9.06050723 1.96174098 11.58084825 2.51743856 14.10131836 3.07336426 C15.86092782 3.45522879 17.62069614 3.83636195 19.38061523 4.21679688 C23.99186445 5.2156354 28.6008999 6.22434098 33.20953369 7.23516846 C37.92085454 8.26666873 42.63421677 9.28875113 47.34741211 10.31164551 C56.57989448 12.31679483 65.81006389 14.33238179 75.03881836 16.35461426 C71.13398468 21.02761121 67.07735478 25.45789843 62.75805664 29.74890137 C61.8642907 30.64288635 61.8642907 30.64288635 60.95246887 31.55493164 C59.00705364 33.49965721 57.05813422 35.44082906 55.10913086 37.38195801 C53.74985219 38.73936913 52.39079596 40.09700305 51.0319519 41.45484924 C47.47336389 45.00963858 43.91178191 48.56141319 40.34954834 52.11254883 C36.70768516 55.74414064 33.06868873 59.37860258 29.42944336 63.01281738 C22.30202325 70.12954696 15.17143395 77.24309202 8.03881836 84.35461426 C2.29863365 82.55424429 -3.14450551 80.49577012 -8.55493164 77.87023926 C-9.25220367 77.53762085 -9.94947571 77.20500244 -10.6678772 76.86230469 C-12.16057115 76.14993079 -13.65221814 75.43535951 -15.1428833 74.71875 C-19.12622568 72.8044217 -23.11777315 70.90738222 -27.10961914 69.01086426 C-27.9249411 68.62323914 -28.74026306 68.23561401 -29.58029175 67.83624268 C-39.38706439 63.18577786 -49.27587272 58.71747999 -59.17407227 54.26574707 C-66.18130356 51.10901218 -73.12619718 47.87135311 -79.96118164 44.35461426 C-78.5363282 40.81140301 -77.02795711 39.47268643 -73.72680664 37.61242676 C-72.85386963 37.11090088 -71.98093262 36.609375 -71.08154297 36.09265137 C-69.66071411 35.294198 -69.66071411 35.294198 -68.21118164 34.47961426 C-66.19763632 33.32001977 -64.18596814 32.15716072 -62.17602539 30.99133301 C-61.1433252 30.39240234 -60.110625 29.79347168 -59.04663086 29.1763916 C-54.21795169 26.32533891 -49.49244399 23.32064279 -44.77368164 20.29211426 C-43.87383545 19.71509766 -42.97398926 19.13808105 -42.046875 18.5435791 C-40.24836336 17.389279 -38.45026341 16.23433717 -36.65258789 15.07873535 C-31.40704529 11.71842858 -26.1318951 8.40491567 -20.86083984 5.08483887 C-20.12696045 4.622146 -19.39308105 4.15945312 -18.63696289 3.68273926 C-17.99670166 3.27958496 -17.35644043 2.87643066 -16.69677734 2.46105957 C-10.95110767 -1.20181495 -6.57322179 -1.2193816 0 0 Z " fill="#FDFDFD" transform="translate(2227.961181640625,2884.6453857421875)"/>
<path d="M0 0 C13.48710415 6.00167648 26.86789548 12.1985314 40.1875 18.5625 C42.72119842 19.7707518 45.25518677 20.97838367 47.78982544 22.18466187 C49.44568152 22.9746673 51.09991021 23.76809372 52.75241089 24.56509399 C56.76296182 26.49361792 60.78321219 28.35376548 64.88134766 30.08935547 C65.65763016 30.42724594 66.43391266 30.76513641 67.23371887 31.11326599 C68.6840457 31.7414841 70.14325965 32.34976388 71.61235046 32.93275452 C76.273205 34.9808569 78.17461311 37.16390144 80.17228699 41.83518982 C80.44543228 42.54957718 80.71857758 43.26396454 81 44 C81.27326614 44.67309708 81.54653229 45.34619415 81.82807922 46.03968811 C82.66995564 48.16207797 83.46455423 50.29752377 84.25 52.44140625 C84.54514999 53.23488968 84.84029999 54.02837311 85.14439392 54.84590149 C86.10009773 57.41669583 87.04999308 59.98959571 88 62.5625 C89.33189905 66.15076028 90.66737815 69.73768037 92.00390625 73.32421875 C92.50513756 74.67045319 92.50513756 74.67045319 93.01649475 76.04388428 C96.73677234 86.01368501 100.596719 95.92861781 104.49414062 105.83032227 C104.95884766 107.01811279 105.42355469 108.20590332 105.90234375 109.4296875 C106.30960693 110.46335449 106.71687012 111.49702148 107.13647461 112.56201172 C108 115 108 115 108 117 C102.76923078 116.39811812 97.67974853 115.59589702 92.5234375 114.50390625 C91.8153595 114.35473251 91.10728149 114.20555878 90.37774658 114.05186462 C88.04276252 113.55881259 85.70887125 113.06079079 83.375 112.5625 C81.72838472 112.21339138 80.08173684 111.86443649 78.43505859 111.515625 C57.60553167 107.09368522 36.80270592 102.54611947 16 98 C14.01760042 89.84577875 12.37967368 81.7422345 11.1875 73.4375 C9.687564 63.3191223 8.04571774 53.23212287 6.33370972 43.14810181 C3.89947596 28.79862851 1.74269581 14.45216446 0 0 Z " fill="#FDFDFD" transform="translate(1417,2603)"/>
<path d="M0 0 C2.375 1.75 2.375 1.75 4 4 C3.60547714 8.19943612 1.9077347 11.51816289 0.0078125 15.2421875 C-0.29363678 15.83806168 -0.59508606 16.43393585 -0.90567017 17.04786682 C-1.55314888 18.32664504 -2.20324553 19.60410049 -2.85571289 20.88034058 C-4.59137746 24.27689064 -6.30631418 27.68389331 -8.0234375 31.08984375 C-8.3677179 31.77158157 -8.71199829 32.4533194 -9.06671143 33.15571594 C-11.95318511 38.88087716 -14.75005929 44.64548681 -17.5 50.4375 C-17.9220874 51.32115234 -18.3441748 52.20480469 -18.77905273 53.11523438 C-20.82229386 57.39768014 -22.85473135 61.68483194 -24.86279297 65.98388672 C-26.54020971 69.57502653 -28.23151784 73.15937176 -29.93017578 76.74050903 C-30.5980577 78.15573155 -31.26072301 79.5734285 -31.91796875 80.99362183 C-32.83723674 82.97875408 -33.77392899 84.95474371 -34.71484375 86.9296875 C-35.25230225 88.07679199 -35.78976074 89.22389648 -36.34350586 90.40576172 C-38 93 -38 93 -39.79232788 93.74740601 C-42.56052781 94.0641336 -44.3360123 93.51456839 -46.97924805 92.63574219 C-47.97471146 92.31042007 -48.97017487 91.98509796 -49.99580383 91.6499176 C-51.61243172 91.10391151 -51.61243172 91.10391151 -53.26171875 90.546875 C-54.3883342 90.17541855 -55.51494965 89.8039621 -56.67570496 89.42124939 C-60.34962426 88.20727523 -64.01848543 86.97870945 -67.6875 85.75 C-70.20492887 84.9154807 -72.72267082 84.08190528 -75.24072266 83.24926758 C-82.49827597 80.8461363 -89.74994299 78.42563918 -97 76 C-98.85073982 75.38132111 -100.70148769 74.76266628 -102.55224609 74.14404297 C-105.63603985 73.1128716 -108.71978583 72.08155746 -111.8034668 71.05004883 C-112.48516937 70.82201569 -113.16687195 70.59398254 -113.86923218 70.35903931 C-115.20211657 69.91278414 -116.53482061 69.46598988 -117.86734009 69.01864624 C-126.41164004 66.15060978 -134.97506094 63.45377803 -143.64453125 60.9921875 C-148.51428892 59.55223587 -153.26491678 57.83062612 -158 56 C-155.88853496 53.88853496 -154.65299486 53.34962779 -151.89379883 52.34277344 C-150.60900131 51.86939041 -150.60900131 51.86939041 -149.29824829 51.38644409 C-148.36064667 51.04751129 -147.42304504 50.70857849 -146.45703125 50.359375 C-145.47866302 50.00086456 -144.5002948 49.64235413 -143.49227905 49.27297974 C-140.26767685 48.09312052 -137.04016482 46.92145241 -133.8125 45.75 C-131.56602688 44.93022074 -129.31969016 44.11006762 -127.07348633 43.28955078 C-112.24108557 37.87784484 -97.38817708 32.52320305 -82.52172852 27.20581055 C-69.91702395 22.69673535 -57.33041929 18.13887499 -44.75 13.5625 C-43.84341644 13.23288269 -42.93683289 12.90326538 -42.0027771 12.56365967 C-40.23398492 11.9204515 -38.46533129 11.27686219 -36.69682312 10.63287354 C-34.98714953 10.01079275 -33.2769628 9.39012025 -31.5662384 8.77093506 C-27.2457124 7.20302944 -22.94321846 5.59972663 -18.65820312 3.93701172 C-17.36248383 3.44067482 -17.36248383 3.44067482 -16.04058838 2.93431091 C-14.40252709 2.30537243 -12.76823051 1.66650486 -11.13861084 1.01600647 C-7.09165705 -0.5278868 -4.25150868 -1.59652293 0 0 Z " fill="#FCFCFC" transform="translate(2285,3321)"/>
<path d="M0 0 C3.37462951 0.86019968 6.10390445 2.21694359 9.1875 3.8125 C8.04740375 18.95706209 6.17968877 33.96963286 4.15454102 49.01538086 C2.46538931 61.57877275 0.90743951 74.15372881 -0.55615234 86.74536133 C-0.70777832 88.02950928 -0.8594043 89.31365723 -1.015625 90.63671875 C-1.14614258 91.76166748 -1.27666016 92.88661621 -1.41113281 94.0456543 C-1.8125 96.8125 -1.8125 96.8125 -2.8125 99.8125 C-14.97607461 100.0768193 -27.1397162 100.33780027 -39.30344772 100.59480286 C-44.9547749 100.71430636 -50.60607529 100.83485536 -56.25732422 100.95800781 C-104.93261021 102.01729813 -104.93261021 102.01729813 -127.8125 101.8125 C-124.29561273 98.26418884 -120.6992465 94.90003159 -116.875 91.6875 C-116.02856934 90.97364136 -116.02856934 90.97364136 -115.16503906 90.24536133 C-110.62829761 86.44368209 -105.99271918 82.78038378 -101.32202148 79.14550781 C-96.63101434 75.48417128 -92.02388182 71.72885344 -87.4375 67.9375 C-86.72456787 67.3482373 -86.01163574 66.75897461 -85.27709961 66.15185547 C-84.56303955 65.56162598 -83.84897949 64.97139648 -83.11328125 64.36328125 C-73.56450877 56.47103854 -63.94772364 48.67225929 -54.17993164 41.05273438 C-48.65876116 36.72780446 -43.25456492 32.26474118 -37.85009766 27.79541016 C-33.42984406 24.14056843 -28.98387431 20.52395901 -24.4921875 16.95703125 C-22.23791787 15.15295832 -19.9955356 13.33620557 -17.7578125 11.51171875 C-17.03601807 10.92334229 -16.31422363 10.33496582 -15.57055664 9.72875977 C-14.13134364 8.55456809 -12.69299782 7.37931252 -11.25561523 6.20288086 C-10.59505127 5.6641333 -9.9344873 5.12538574 -9.25390625 4.5703125 C-8.66295166 4.0870752 -8.07199707 3.60383789 -7.46313477 3.10595703 C-3.22511263 -0.21500751 -3.22511263 -0.21500751 0 0 Z " fill="#FDFDFD" transform="translate(2670.8125,3190.1875)"/>
<path d="M0 0 C4.12315488 1.27552747 7.79620164 2.81932381 11.5859375 4.87890625 C12.66488281 5.4615625 13.74382813 6.04421875 14.85546875 6.64453125 C15.42700684 6.95600098 15.99854492 7.2674707 16.58740234 7.58837891 C19.05723319 8.93427143 21.53273629 10.26958084 24.00787354 11.60568237 C25.32143569 12.31488443 26.63470399 13.02463099 27.94769287 13.7348938 C34.609509 17.33689051 41.29796718 20.88801651 47.98956299 24.43429565 C93.80142846 48.71852035 93.80142846 48.71852035 110 58 C106.04310494 60.48505808 101.72035981 60.80239154 97.1875 61.4375 C91.4187943 62.26160081 85.71137398 63.23603317 80 64.3984375 C72.12020658 65.999877 64.21293254 67.39555527 56.28921509 68.76055908 C40.61438274 71.46261688 24.95882998 74.26286233 9.3125 77.125 C-4.24442866 79.60461395 -17.80593481 82.03576865 -31.39477539 84.33496094 C-36.71738103 85.24043553 -42.02658559 86.18405306 -47.32421875 87.2265625 C-48.30849854 87.42024414 -49.29277832 87.61392578 -50.30688477 87.81347656 C-52.12265306 88.1752774 -53.93708253 88.54389746 -55.74975586 88.92089844 C-61.67514866 90.10828378 -61.67514866 90.10828378 -65 89 C-64.39414063 88.22398437 -63.78828125 87.44796875 -63.1640625 86.6484375 C-58.31419873 80.40702686 -53.59300605 74.09885642 -49.02709961 67.64697266 C-45.47391178 62.63639868 -41.83970621 57.68875045 -38.1875 52.75 C-31.94572188 44.30384815 -25.77957075 35.80576683 -19.64404297 27.28222656 C-16.23533689 22.55033105 -12.81669523 17.82559969 -9.40014648 13.09936523 C-6.25275737 8.74279829 -3.12009369 4.37616082 0 0 Z " fill="#FDFDFD" transform="translate(2148,754)"/>
<path d="M0 0 C0 3.6767753 -0.98380057 4.89025937 -2.97265625 7.953125 C-3.94005737 9.45359375 -3.94005737 9.45359375 -4.92700195 10.984375 C-5.98407349 12.60085937 -5.98407349 12.60085937 -7.0625 14.25 C-7.79117919 15.37463059 -8.51928059 16.49963573 -9.24682617 17.625 C-11.12411472 20.52485276 -13.00966182 23.41922726 -14.89819336 26.31176758 C-16.60690098 28.92991808 -18.31087799 31.55114452 -20.015625 34.171875 C-22.51826199 38.01556331 -25.02509279 41.85647026 -27.53515625 45.6953125 C-31.9433565 52.43897506 -36.31800915 59.20415852 -40.68945312 65.97167969 C-42.95776798 69.48232794 -45.22905587 72.99105222 -47.5 76.5 C-50.35618945 80.9135968 -53.21190895 85.32749607 -56.06640625 89.7421875 C-56.56785156 90.51755859 -57.06929687 91.29292969 -57.5859375 92.09179688 C-58.54834752 93.57996792 -59.51059507 95.06824404 -60.47265625 96.55664062 C-60.90578125 97.22630859 -61.33890625 97.89597656 -61.78515625 98.5859375 C-62.16551025 99.1742334 -62.54586426 99.7625293 -62.93774414 100.36865234 C-63.94762612 101.9195674 -64.97340007 103.4601001 -66 105 C-71.05145846 103.44739588 -75.72634683 101.3758256 -80.5 99.140625 C-81.32092636 98.75937469 -82.14185272 98.37812439 -82.98765564 97.98532104 C-85.65990467 96.74334087 -88.32998225 95.49676881 -91 94.25 C-92.84696784 93.39020709 -94.69405537 92.53067127 -96.54125977 91.67138672 C-100.26031035 89.94066275 -103.97844561 88.20799521 -107.69580078 86.47363281 C-111.76272931 84.57632595 -115.83140343 82.6828252 -119.90145874 80.79223633 C-122.61976855 79.52948521 -125.33744854 78.26538359 -128.05493164 77.00085449 C-129.88076947 76.15139356 -131.70698038 75.30273467 -133.53320312 74.45410156 C-140.07588025 71.40274867 -146.55854041 68.25982362 -153 65 C-152.67 60.71 -152.34 56.42 -152 52 C-150.71053467 51.56357178 -149.42106934 51.12714355 -148.0925293 50.67749023 C-141.95669621 48.59991925 -135.82187519 46.51937145 -129.6875 44.4375 C-128.55900635 44.05451752 -127.4305127 43.67153503 -126.26782227 43.27694702 C-110.81836893 38.03060429 -95.3950157 32.71634559 -80 27.3125 C-63.7990591 21.6261959 -47.54319969 16.12233779 -31.23828125 10.74145508 C-20.7791617 7.28634587 -10.37196346 3.70879806 0 0 Z " fill="#FDFDFD" transform="translate(2853,3120)"/>
<path d="M0 0 C0.80929962 0.0260582 1.61859924 0.05211639 2.4524231 0.07896423 C3.26750336 0.09923172 4.08258362 0.11949921 4.92236328 0.14038086 C5.5460379 0.16643906 6.16971252 0.19249725 6.81228638 0.21934509 C11.15460818 18.6673169 15.18665435 37.16821283 19.06228638 55.71934509 C19.59591359 58.26236148 20.12976701 60.80533041 20.66384888 63.34825134 C23.29559311 75.89428591 23.29559311 75.89428591 24.20889282 80.31089783 C24.60562958 82.22322838 25.00868978 84.1342599 25.41860962 86.04380798 C25.60234131 86.91706726 25.786073 87.79032654 25.97537231 88.69004822 C26.13745178 89.44709045 26.29953125 90.20413269 26.46652222 90.9841156 C26.84428188 93.42618343 26.87050111 95.75204559 26.81228638 98.21934509 C21.08396711 100.83646652 15.32936241 103.22684053 9.40603638 105.36387634 C8.62006577 105.6504158 7.83409515 105.93695526 7.02430725 106.23217773 C4.45467152 107.16828072 1.88347472 108.10001618 -0.68771362 109.03184509 C-2.50286196 109.69247029 -4.3178825 110.3534467 -6.13278198 111.01475525 C-9.91213362 112.39150089 -13.69203106 113.76673143 -17.47238159 115.14073181 C-25.69809977 118.13121807 -33.91921349 121.13428302 -42.13934326 124.14009094 C-44.73069598 125.08721153 -47.3225823 126.03286068 -49.91452026 126.9783783 C-57.30053476 129.67566217 -64.67915714 132.38726436 -72.02365112 135.19590759 C-73.15987915 135.62919373 -74.29610718 136.06247986 -75.46676636 136.50889587 C-77.50287277 137.28921709 -79.53645994 138.07615978 -81.56686401 138.87120056 C-82.86225098 139.36837585 -82.86225098 139.36837585 -84.18380737 139.87559509 C-84.9178479 140.1624115 -85.65188843 140.44922791 -86.40817261 140.74473572 C-88.18771362 141.21934509 -88.18771362 141.21934509 -90.18771362 140.21934509 C-89.54447144 139.23579041 -88.90122925 138.25223572 -88.23849487 137.23887634 C-83.01866868 129.22926135 -77.888952 121.17219263 -72.87521362 113.03184509 C-68.41198975 105.78582602 -63.8934932 98.57913628 -59.31271362 91.40684509 C-49.02968584 75.29595881 -38.92965197 59.07469644 -28.93771362 42.78184509 C-24.01188153 34.75059711 -19.05898826 26.74416713 -13.85128784 18.89170837 C-11.77762039 15.75393251 -9.82454864 12.61783967 -8.05490112 9.29747009 C-7.54636597 8.37381653 -7.54636597 8.37381653 -7.02755737 7.4315033 C-6.13524048 5.79024533 -5.28079492 4.12854944 -4.42990112 2.46543884 C-2.18771362 0.21934509 -2.18771362 0.21934509 0 0 Z " fill="#FDFDFD" transform="translate(2999.187713623047,2933.7806549072266)"/>
<path d="M0 0 C0.66 0 1.32 0 2 0 C2.41773682 0.95140869 2.83547363 1.90281738 3.26586914 2.88305664 C4.85024285 6.49026245 6.43690009 10.09646033 8.02416992 13.70239258 C8.7044586 15.24867771 9.38416767 16.795218 10.06323242 18.34204102 C13.69376194 26.61083401 17.371317 34.84747294 21.21827698 43.01809692 C25.17023012 51.44666629 28.91625464 59.96868918 32.68847656 68.47875977 C34.42732867 72.40153501 36.16964066 76.3227707 37.91186523 80.24404907 C38.75492515 82.14547188 39.59562641 84.04794243 40.43383789 85.95150757 C42.33363833 90.26521743 44.25281831 94.56473306 46.25390625 98.83251953 C46.59333252 99.56906265 46.93275879 100.30560577 47.2824707 101.06446838 C47.90753854 102.41837785 48.54461747 103.7668354 49.19604492 105.10826111 C50.38157348 107.70376789 51.14435614 109.39362434 50.47045898 112.22436523 C48.6129821 114.46733873 46.71427012 115.73606151 44.22265625 117.25 C42.75505859 118.15298828 42.75505859 118.15298828 41.2578125 119.07421875 C40.20335938 119.70972656 39.14890625 120.34523438 38.0625 121 C35.85518992 122.35371212 33.64816159 123.70788375 31.44140625 125.0625 C30.3445752 125.73152344 29.24774414 126.40054688 28.11767578 127.08984375 C23.8841876 129.68364262 19.6899458 132.33666257 15.5 135 C7.1999713 140.25635544 -1.12984451 145.46454921 -9.46679688 150.66210938 C-16.00101673 154.73878829 -22.50917476 158.85457905 -29 163 C-32.40873516 160.75333364 -35.74799207 158.46728428 -39 156 C-38.05110008 149.57014084 -36.59229435 143.35789988 -34.79296875 137.1171875 C-31.55134147 125.65488458 -28.79155181 114.07839454 -26 102.5 C-23.12676699 90.58281998 -20.25277519 78.68552789 -16.90115356 66.89280701 C-13.93506023 56.35841443 -11.44702879 45.69829465 -8.875 35.0625 C-8.08468522 31.80117957 -7.2934788 28.540082 -6.5005188 25.27940369 C-6.01244253 23.27179746 -5.52589003 21.26381986 -5.04122925 19.25538635 C-3.47484741 12.8040929 -1.77806103 6.39612506 0 0 Z " fill="#FDFDFD" transform="translate(3366,2003)"/>
<path d="M0 0 C14.03187493 1.58437193 27.94060122 3.85514963 41.875 6.125 C45.58052711 6.7259515 49.28618737 7.32607662 52.99186707 7.92608643 C55.52252957 8.33587248 58.05313845 8.74598987 60.58369446 9.15643311 C69.30403346 10.56929192 78.02783226 11.9589789 86.75390625 13.3359375 C89.08155226 13.70420559 91.40918918 14.07253118 93.73681641 14.44091797 C97.07491952 14.96917404 100.41319138 15.49619304 103.75213623 16.019104 C106.81320438 16.49871329 109.87346337 16.98319907 112.93359375 17.46875 C113.84436172 17.61001312 114.7551297 17.75127625 115.6934967 17.89682007 C121.88619211 18.88619211 121.88619211 18.88619211 123 20 C123.10260449 22.6636514 123.13943084 25.30062617 123.1328125 27.96484375 C123.13479141 29.22558464 123.13479141 29.22558464 123.1368103 30.51179504 C123.13875511 33.3203986 123.13231067 36.12890619 123.125 38.9375 C123.12367065 40.37554993 123.12367065 40.37554993 123.12231445 41.84265137 C123.09645964 65.90055803 122.56730797 89.94976306 122 114 C120.72173171 114.49054342 119.44238893 114.97828753 118.16259766 115.46484375 C117.45027985 115.73675537 116.73796204 116.00866699 116.00405884 116.28881836 C113.34239909 117.23336326 111.78526753 117.65322235 109 117 C106.61876823 115.23635625 104.64521243 113.15972088 102.625 111 C102.04919189 110.40421143 101.47338379 109.80842285 100.88012695 109.19458008 C97.33849289 105.50481494 93.91586708 101.72313234 90.60546875 97.82421875 C88.19339758 95.08349555 85.57316628 92.56433135 82.97265625 90.00390625 C80.42662171 87.41753849 78.07978443 84.6846472 75.71484375 81.93359375 C74.03995701 80.04505403 72.30052413 78.26844352 70.5 76.5 C68.06610268 74.10946833 65.78644441 71.64953738 63.5625 69.0625 C61.14382221 66.25423653 58.64100317 63.60029407 56 61 C52.72797872 57.7784145 49.70683945 54.41407855 46.71484375 50.93359375 C44.4995262 48.43568444 42.1310183 46.11975011 39.75 43.78125 C37.29365151 41.28103815 35.03690632 38.62319484 32.75 35.96875 C31.06201714 34.06976929 29.31230266 32.27994012 27.5 30.5 C25.06610268 28.10946833 22.78644441 25.64953738 20.5625 23.0625 C18.14382221 20.25423653 15.64100317 17.60029407 13 15 C8.26900185 10.33343178 3.69282789 5.53924183 0 0 Z " fill="#FDFDFD" transform="translate(2707,964)"/>
<path d="M0 0 C7.29134499 2.03405314 14.25689491 4.58048087 21.2578125 7.44921875 C22.28687714 7.86669876 23.31594177 8.28417877 24.37619019 8.71430969 C27.62753561 10.0344684 30.87628998 11.36087109 34.125 12.6875 C36.34358099 13.58960847 38.56232945 14.49130519 40.78125 15.39257812 C46.18944462 17.59029713 51.59553223 19.79313324 57 22 C55.30004137 27.82868987 52.62019349 33.09190036 49.93359375 38.51171875 C49.42736984 39.54079849 48.92114594 40.56987823 48.39958191 41.63014221 C47.31314944 43.83769956 46.22500503 46.04441506 45.13531494 48.25036621 C42.85064167 52.8755627 40.57427047 57.5048274 38.29742432 62.13388062 C37.15344474 64.45947041 36.00903523 66.78484876 34.86419678 69.11001587 C30.08909971 78.80948041 25.34584984 88.52403739 20.625 98.25 C19.94450232 99.64982273 19.26400109 101.04964372 18.58349609 102.44946289 C15.55363666 108.68851123 12.54807824 114.93757463 9.58984375 121.2109375 C9.07276855 122.3050293 8.55569336 123.39912109 8.02294922 124.52636719 C7.08252434 126.52166517 6.14751655 128.51952994 5.21923828 130.52050781 C4.81817871 131.37225586 4.41711914 132.22400391 4.00390625 133.1015625 C3.49065796 134.20491943 3.49065796 134.20491943 2.96704102 135.33056641 C2 137 2 137 0 138 C-2.08740234 136.90917969 -2.08740234 136.90917969 -4.7109375 135.171875 C-5.69803711 134.52283203 -6.68513672 133.87378906 -7.70214844 133.20507812 C-8.79043945 132.47740234 -9.87873047 131.74972656 -11 131 C-12.16919057 130.22790079 -13.33879717 129.45643126 -14.50878906 128.68554688 C-17.59609181 126.64616858 -20.66969452 124.58718048 -23.73779297 122.51904297 C-25.01158038 121.66249097 -26.28768533 120.80937677 -27.56591797 119.95947266 C-29.43719279 118.71495419 -31.30128023 117.46030801 -33.1640625 116.203125 C-33.73685944 115.82496643 -34.30965637 115.44680786 -34.89981079 115.05718994 C-38.88590129 112.34229613 -38.88590129 112.34229613 -40 109 C-39.34179688 106.55615234 -39.34179688 106.55615234 -38.21875 103.5859375 C-37.79658203 102.45349609 -37.37441406 101.32105469 -36.93945312 100.15429688 C-36.45964379 98.89452806 -35.97982579 97.63476255 -35.5 96.375 C-35.00350693 95.05052347 -34.50809209 93.72564234 -34.01367188 92.40039062 C-33.21382815 90.25734545 -32.41308587 88.1146665 -31.60900879 85.97320557 C-28.50681458 77.71054932 -25.48386611 69.41920459 -22.45910645 61.12796021 C-20.86596557 56.76274001 -19.26878854 52.3989974 -17.671875 48.03515625 C-17.36135193 47.18640427 -17.05082886 46.33765228 -16.730896 45.46318054 C-13.97400243 37.92786183 -11.21554389 30.39311748 -8.4543457 22.859375 C-7.7734085 21.00137235 -7.09275391 19.14326614 -6.41210938 17.28515625 C-4.29661297 11.51501488 -2.16793342 5.75065457 0 0 Z " fill="#FDFDFD" transform="translate(3023,1684)"/>
<path d="M0 0 C7.69172802 -0.19881568 15.16587721 0.41567533 22.8046875 1.27734375 C24.00505646 1.40814835 25.20542542 1.53895294 26.44216919 1.67372131 C30.25368689 2.0899322 34.06435603 2.51337093 37.875 2.9375 C41.67863702 3.35671676 45.48243735 3.77438377 49.28640747 4.19056702 C51.644117 4.44895467 54.00161598 4.70927391 56.3588562 4.97190857 C57.44683502 5.09195755 58.53481384 5.21200653 59.65576172 5.33569336 C61.22945778 5.50950531 61.22945778 5.50950531 62.83494568 5.68682861 C67.05492649 6.1043814 71.28208739 6.36852078 75.51597595 6.60270691 C79.72507576 7.27590743 81.04883537 9.06923337 83.6875 12.375 C84.35954468 13.18638428 84.35954468 13.18638428 85.04516602 14.01416016 C86.39422206 15.65388885 87.69715702 17.32347337 89 19 C90.47733414 20.79317799 91.95641851 22.5849159 93.4375 24.375 C94.15808594 25.26960938 94.87867188 26.16421875 95.62109375 27.0859375 C98.35905153 30.43982338 101.17219888 33.72189795 104 37 C108.31604083 42.0087471 112.54527079 47.07580654 116.7109375 52.2109375 C119.33122532 55.40357488 122.00705815 58.54541144 124.6875 61.6875 C128.6450157 66.33262551 132.41601214 71.05990862 136 76 C132.81246425 78.12502383 131.34814434 78.39600269 127.62426758 78.82202148 C126.52073441 78.95233261 125.41720123 79.08264374 124.28022766 79.21690369 C123.08044785 79.35028641 121.88066803 79.48366913 120.64453125 79.62109375 C119.39612961 79.76652115 118.14772797 79.91194855 116.86149597 80.06178284 C113.5225291 80.4494306 110.1829232 80.83016782 106.84277344 81.20739746 C102.23717598 81.72937625 97.63313621 82.26498423 93.02877808 82.79776001 C90.44430513 83.09606917 87.85960808 83.39244328 85.27468872 83.68685913 C79.13038864 84.38952823 72.99242985 85.11964119 66.86083984 85.92626953 C65.20057014 86.14332298 65.20057014 86.14332298 63.50675964 86.36476135 C61.44265617 86.63741726 59.37936046 86.91628815 57.3170929 87.20249939 C56.40638535 87.32266922 55.4956778 87.44283905 54.55737305 87.56665039 C53.37476143 87.72901939 53.37476143 87.72901939 52.16825867 87.89466858 C49.828991 88.00830741 48.1873962 87.83950067 46 87 C44.52972323 84.79801385 43.34249735 82.73124364 42.1640625 80.37890625 C41.80829132 79.6963829 41.45252014 79.01385956 41.08596802 78.31065369 C39.91989681 76.06745908 38.77276695 73.81510677 37.625 71.5625 C36.81695169 70.00181521 36.0073677 68.4419246 35.19628906 66.8828125 C33.56057121 63.73702279 31.93031561 60.58849882 30.30371094 57.43798828 C27.18928934 51.42060622 23.97686947 45.45779851 20.75 39.5 C19.63796451 37.43883247 18.52598522 35.37763462 17.4140625 33.31640625 C15.62464369 30.00435662 13.83398758 26.69298025 12.04199219 23.38232422 C10.38618248 20.32326641 8.73221318 17.26321925 7.07922363 14.20263672 C6.14265155 12.47015209 5.20367279 10.7389692 4.26464844 9.0078125 C3.70551758 7.97269531 3.14638672 6.93757813 2.5703125 5.87109375 C2.07289551 4.95255615 1.57547852 4.03401855 1.06298828 3.08764648 C0 1 0 1 0 0 Z " fill="#FDFDFD" transform="translate(1620,2790)"/>
<path d="M0 0 C5.81264703 0.26510579 11.62522339 0.53170026 17.43774414 0.79956055 C19.40712729 0.89011979 21.37652785 0.98030132 23.34594727 1.07006836 C35.56981532 1.62753903 47.78678733 2.24272578 60 3 C59.40479181 11.44298811 58.62451649 19.83882417 57.6171875 28.2421875 C57.48209778 29.38551544 57.34700806 30.52884338 57.20782471 31.70681763 C56.76669578 35.429927 56.32118836 39.1524938 55.875 42.875 C55.64656403 44.79022461 55.64656403 44.79022461 55.41351318 46.74414062 C53.05547812 66.50508248 50.62241645 86.256174 48.125 106 C47.97415955 107.19929138 47.82331909 108.39858276 47.66790771 109.63421631 C47.24293548 113.00658602 46.81367243 116.37837807 46.3828125 119.75 C46.25706848 120.75032257 46.13132446 121.75064514 46.00177002 122.78128052 C45.82517853 124.15024979 45.82517853 124.15024979 45.64501953 125.546875 C45.54399933 126.33932617 45.44297913 127.13177734 45.33889771 127.94824219 C45 130 45 130 44 133 C33.66700562 130.6977601 23.47198937 128.07731381 13.30981445 125.10693359 C12.47409912 124.86281738 11.63838379 124.61870117 10.77734375 124.3671875 C10.04765381 124.15175293 9.31796387 123.93631836 8.56616211 123.71435547 C5.06084929 122.73856389 1.5323704 121.87278277 -2 121 C-2.18154755 95.83611327 -1.67881474 70.7013395 -1.07287598 45.54571533 C-0.94948007 40.38861383 -0.83042218 35.23141209 -0.7109375 30.07421875 C-0.47806783 20.04937987 -0.24060722 10.02465596 0 0 Z " fill="#FDFDFD" transform="translate(2841,1397)"/>
<path d="M0 0 C1.40356445 2.02758789 1.40356445 2.02758789 2.86328125 4.72265625 C3.41419434 5.72546631 3.96510742 6.72827637 4.53271484 7.76147461 C5.12004395 8.85081299 5.70737305 9.94015137 6.3125 11.0625 C7.5590782 13.33710048 8.80783878 15.61050606 10.05859375 17.8828125 C10.53924286 18.75857185 10.53924286 18.75857185 11.02960205 19.65202332 C15.10214936 27.04739497 19.41383797 34.30255362 23.73168945 41.55688477 C24.29202881 42.50619873 24.85236816 43.4555127 25.4296875 44.43359375 C25.92710449 45.26947021 26.42452148 46.10534668 26.93701172 46.96655273 C28 49 28 49 28 51 C-29.35342159 79.17253033 -29.35342159 79.17253033 -54.2272644 91.20510864 C-58.17506744 93.11496784 -62.11999061 95.03062702 -66.06286621 96.95063782 C-68.62674414 98.19837005 -71.1921707 99.4428922 -73.75799561 100.68661499 C-75.50997617 101.53700556 -77.26014451 102.39112651 -79.01025391 103.24536133 C-80.03940918 103.74318115 -81.06856445 104.24100098 -82.12890625 104.75390625 C-83.02681885 105.19033447 -83.92473145 105.6267627 -84.84985352 106.07641602 C-87 107 -87 107 -89 107 C-99.67138672 74.98583984 -99.67138672 74.98583984 -100.35150146 72.91424561 C-100.93618353 71.1883742 -101.58383504 69.48414607 -102.23876953 67.78369141 C-103.09350728 64.65805965 -103.13892645 63.02714661 -102 60 C-100.35205078 58.52124023 -100.35205078 58.52124023 -98.1953125 57.30859375 C-96.99430908 56.6139502 -96.99430908 56.6139502 -95.76904297 55.90527344 C-94.89650879 55.4209082 -94.02397461 54.93654297 -93.125 54.4375 C-91.27484077 53.37056935 -89.42590886 52.30150796 -87.578125 51.23046875 C-86.63904297 50.69083496 -85.69996094 50.15120117 -84.73242188 49.59521484 C-80.71358076 47.24897576 -76.79366015 44.75882817 -72.875 42.25 C-64.3051842 36.79524854 -55.6597422 31.46870849 -47.00146484 26.15576172 C-38.33507103 20.83326497 -29.70305707 15.45765901 -21.09106445 10.04760742 C-19.27799795 8.9103188 -17.46258623 7.7767579 -15.64453125 6.64746094 C-13.8217415 5.51191947 -12.00705106 4.36330785 -10.19921875 3.20410156 C-9.30847656 2.64432617 -8.41773437 2.08455078 -7.5 1.5078125 C-6.7059375 1.00137207 -5.911875 0.49493164 -5.09375 -0.02685547 C-3 -1 -3 -1 0 0 Z " fill="#FDFDFD" transform="translate(3076,2352)"/>
<path d="M0 0 C4.09589477 1.69658386 7.20022582 4.55760659 10.5 7.4375 C11.42486206 8.23667847 11.42486206 8.23667847 12.3684082 9.05200195 C16.37227613 12.52935636 20.29908228 16.08196982 24.1875 19.6875 C28.84908003 24.00585794 33.654281 28.0700005 38.625 32.02734375 C40.8898643 33.90852216 42.95514183 35.88413981 45 38 C43.58607352 41.20822172 41.89506369 43.35250059 39.41867065 45.82183838 C38.67547577 46.56778259 37.93228088 47.31372681 37.16656494 48.08227539 C36.3508905 48.89075928 35.53521606 49.69924316 34.69482422 50.53222656 C33.83621796 51.39112488 32.97761169 52.25002319 32.09298706 53.13494873 C29.74138856 55.48539336 27.38544268 57.83131459 25.02745199 60.17533588 C22.56283009 62.627448 20.10387775 65.08523207 17.64431763 67.54241943 C12.98764113 72.1928819 8.32589026 76.83822297 3.66229355 81.48174453 C-1.64752248 86.76919919 -6.9516548 92.06233984 -12.25531793 97.35596514 C-23.16390116 108.24364811 -34.07959806 119.12417051 -45 130 C-48.40039846 128.86653385 -48.87835526 128.16879733 -50.8984375 125.34375 C-51.45450684 124.57587158 -52.01057617 123.80799316 -52.58349609 123.0168457 C-53.17469238 122.18628662 -53.76588867 121.35572754 -54.375 120.5 C-55.6236076 118.77373161 -56.8736419 117.04849437 -58.125 115.32421875 C-58.76308594 114.4429834 -59.40117187 113.56174805 -60.05859375 112.65380859 C-63.10258651 108.49281748 -66.23312897 104.39982928 -69.375 100.3125 C-70.22263916 99.20841797 -70.22263916 99.20841797 -71.08740234 98.08203125 C-72.39013348 96.38689158 -73.69482494 94.69325868 -75 93 C-73.21097038 89.20293799 -70.80855932 86.26661357 -68.0625 83.125 C-64.08514278 78.50579413 -60.23548121 73.81680472 -56.5 69 C-52.4295211 63.76133148 -48.22656821 58.66216463 -43.91845703 53.61767578 C-40.50916874 49.62079022 -37.20596542 45.55282307 -33.94140625 41.4375 C-31.17890379 37.96908645 -28.36254718 34.54569657 -25.55078125 31.1171875 C-22.52224415 27.42089372 -19.51176145 23.70996428 -16.5 20 C-1.37374055 1.37374055 -1.37374055 1.37374055 0 0 Z " fill="#FDFDFD" transform="translate(3105,2013)"/>
<path d="M0 0 C12.21 0 24.42 0 37 0 C38.32 5.28 39.64 10.56 41 16 C41.515625 17.835625 42.03125 19.67125 42.5625 21.5625 C55.08292003 73.50160509 45.83169455 131.37089351 23 179 C22.68595215 179.66902344 22.3719043 180.33804688 22.04833984 181.02734375 C14.67795971 196.69178709 5.77058587 211.43704001 -5 225 C-6 223 -6 223 -5.328125 220.78735352 C-4.79445313 219.44048462 -4.79445313 219.44048462 -4.25 218.06640625 C4.08794331 196.03604143 8.46170133 171.01660751 8.94433594 147.48046875 C8.98431809 145.69880791 9.04171958 143.91750609 9.11035156 142.13671875 C9.99182072 118.10742514 7.39965578 94.4295824 5.02879333 70.54747009 C3.90748686 59.20478789 2.90213995 47.85362657 1.95007324 36.49557495 C1.694345 33.45634996 1.4317887 30.41776693 1.16894531 27.37915039 C1.0118794 25.51062058 0.85527839 23.64205162 0.69921875 21.7734375 C0.62759018 20.95692215 0.55596161 20.1404068 0.48216248 19.29914856 C-0.04662244 12.80221518 0 6.58591114 0 0 Z " fill="#FCFCFC" transform="translate(3390,2975)"/>
<path d="M0 0 C0.96478271 0.58620117 1.92956543 1.17240234 2.92358398 1.77636719 C3.95684814 2.41735352 4.9901123 3.05833984 6.0546875 3.71875 C7.72078977 4.73580643 9.38689774 5.75285363 11.05326843 6.76947021 C12.81276546 7.84500174 14.5694855 8.92495078 16.32568359 10.00585938 C19.9304292 12.22254472 23.54757317 14.41836708 27.16796875 16.609375 C40.10996063 24.44401294 53.02826541 32.31748224 65.9296875 40.21875 C63.78105378 42.56403121 61.75684094 43.9907371 58.91503906 45.40429688 C58.10782913 45.80937973 57.3006192 46.21446259 56.46894836 46.63182068 C55.15787361 47.27813194 55.15787361 47.27813194 53.8203125 47.9375 C52.90932297 48.39226212 51.99833344 48.84702423 51.05973816 49.31556702 C48.10273571 50.78944545 45.14140543 52.25437337 42.1796875 53.71875 C40.15748333 54.72357486 38.13542928 55.72870191 36.11352539 56.73413086 C19.16759312 65.1488525 2.17131843 73.42481044 -15.0703125 81.21875 C-16.00230469 80.34734375 -16.93429687 79.4759375 -17.89453125 78.578125 C-24.10457558 72.77508146 -30.31889172 66.97723072 -36.5703125 61.21875 C-41.89672929 56.31216954 -47.19374331 51.37480855 -52.484375 46.4296875 C-57.01580613 42.19662221 -61.56678242 37.98544427 -66.12768555 33.78417969 C-72.80521155 27.62793218 -79.43615087 21.42164524 -86.0703125 15.21875 C-85.0703125 13.21875 -85.0703125 13.21875 -83.25805664 12.60101318 C-82.46520264 12.42813782 -81.67234863 12.25526245 -80.85546875 12.07714844 C-79.95442917 11.8762561 -79.05338959 11.67536377 -78.12504578 11.46838379 C-77.1376088 11.25709839 -76.15017181 11.04581299 -75.1328125 10.828125 C-74.11302811 10.60265991 -73.09324371 10.37719482 -72.04255676 10.14489746 C-68.72012626 9.41176265 -65.39532191 8.6900898 -62.0703125 7.96875 C-57.57343711 6.98270562 -53.07767824 5.99162796 -48.58203125 5 C-47.48380539 4.75856262 -46.38557953 4.51712524 -45.2540741 4.26837158 C-39.30633459 2.95544099 -33.37406278 1.60189964 -27.46484375 0.125 C-26.31435547 -0.16213867 -25.16386719 -0.44927734 -23.97851562 -0.74511719 C-21.98382962 -1.25165417 -19.99141003 -1.76724503 -18.00195312 -2.29394531 C-17.14408203 -2.51147461 -16.28621094 -2.72900391 -15.40234375 -2.953125 C-14.34623901 -3.2330127 -14.34623901 -3.2330127 -13.26879883 -3.51855469 C-8.15543536 -4.12954626 -4.29309207 -2.63910796 0 0 Z " fill="#FDFDFD" transform="translate(1960.0703125,2888.78125)"/>
<path d="M0 0 C9.05094353 -0.12751428 18.02415755 0.26889217 27.0546875 0.83984375 C28.48696696 0.92749555 29.91926941 1.01477247 31.35159302 1.10169983 C35.1013501 1.33003881 38.85084611 1.56239209 42.60028076 1.79595947 C48.54748298 2.16601399 54.49497747 2.53132429 60.44260406 2.89448929 C61.88959558 2.9828921 63.3365714 3.07155231 64.78353119 3.16047287 C74.58893912 3.76186513 84.39446805 4.2992472 94.21212769 4.66160583 C99.19425483 4.85827794 104.06007207 5.31584153 109 6 C109.06628601 6.76086411 109.13257202 7.52172821 109.2008667 8.3056488 C109.97880111 17.22980635 110.75989573 26.15368392 111.54296112 35.07739258 C111.74913482 37.42763747 111.95504573 39.77790529 112.16094971 42.12817383 C114.13481818 64.68375649 114.13481818 64.68375649 116.2890625 87.22265625 C116.38388916 88.17401962 116.47871582 89.125383 116.57641602 90.10557556 C117.00125629 94.34292066 117.43531487 98.57909563 117.88183594 102.81420898 C118.71781832 110.89560762 119.22923581 118.86506773 119 127 C114.47445508 123.30567761 110.59563692 119.51746089 106.81640625 115.0703125 C104.95725348 112.95127817 103.01038601 110.97552383 101 109 C97.74970017 105.79970478 94.75275755 102.45775424 91.78125 99 C89.29742572 96.21114467 86.63288563 93.62313017 83.97265625 91.00390625 C81.42662171 88.41753849 79.07978443 85.6846472 76.71484375 82.93359375 C75.03995701 81.04505403 73.30052413 79.26844352 71.5 77.5 C69.06610268 75.10946833 66.78644441 72.64953738 64.5625 70.0625 C62.14382221 67.25423653 59.64100317 64.60029407 57 62 C53.72797872 58.7784145 50.70683945 55.41407855 47.71484375 51.93359375 C46.03995701 50.04505403 44.30052413 48.26844352 42.5 46.5 C40.06610268 44.10946833 37.78644441 41.64953738 35.5625 39.0625 C33.14382221 36.25423653 30.64100317 33.60029407 28 31 C24.72797872 27.7784145 21.70683945 24.41407855 18.71484375 20.93359375 C17.03995701 19.04505403 15.30052413 17.26844352 13.5 15.5 C8.58999326 10.66740328 4.11383069 5.52357023 0 0 Z " fill="#FDFDFD" transform="translate(3127,1413)"/>
<path d="M0 0 C1.8419885 2.76298275 2.38488498 4.04021327 3.01806641 7.15966797 C3.27982666 8.42358871 3.27982666 8.42358871 3.546875 9.71304321 C3.72992187 10.63016083 3.91296875 11.54727844 4.1015625 12.4921875 C4.39812744 13.93517715 4.39812744 13.93517715 4.70068359 15.40731812 C5.34800671 18.56204002 5.98646109 21.71848952 6.625 24.875 C7.51790006 29.24279069 8.41519383 33.60967516 9.3125 37.9765625 C9.53733063 39.07383667 9.76216125 40.17111084 9.99380493 41.30163574 C11.43180698 48.30195321 12.91135661 55.29181848 14.4375 62.2734375 C14.62524994 63.13286957 14.81299988 63.99230164 15.00643921 64.8777771 C15.71773779 68.12702476 16.4309775 71.37580822 17.15167236 74.62298584 C17.63826664 76.81565372 18.12019568 79.00930476 18.6015625 81.203125 C18.87307129 82.42676758 19.14458008 83.65041016 19.42431641 84.91113281 C20 88 20 88 20 92 C18.43383789 93.38110352 18.43383789 93.38110352 16.22265625 94.62890625 C15.0011084 95.33623901 15.0011084 95.33623901 13.75488281 96.05786133 C12.86639648 96.55439209 11.97791016 97.05092285 11.0625 97.5625 C9.2029856 98.63813686 7.34493267 99.71630387 5.48828125 100.796875 C4.55580566 101.33634766 3.62333008 101.87582031 2.66259766 102.43164062 C-1.04811093 104.61737251 -4.65345767 106.94507158 -8.25 109.3125 C-22.47528979 118.62008934 -36.95175694 127.54225393 -51.4375 136.4375 C-52.57336548 137.13746094 -52.57336548 137.13746094 -53.73217773 137.8515625 C-58.88168945 141 -58.88168945 141 -60 141 C-60.01294235 139.26433161 -60.02428329 137.52865134 -60.03515625 135.79296875 C-60.04627441 134.02131348 -60.04627441 134.02131348 -60.05761719 132.21386719 C-60.06764999 129.46504867 -60.04777886 126.71827207 -60.00878906 123.96972656 C-59.91022357 115.86180242 -60.03268943 107.84344574 -60.5604248 99.74916077 C-62.9722908 60.86513464 -62.9722908 60.86513464 -52.98046875 48.75 C-46.49415891 41.49951771 -38.84610023 35.68393426 -31 30 C-23.83224943 24.23906919 -17.46653949 17.58234067 -11 11.0625 C-9.92862113 9.98609346 -8.85700818 8.90991986 -7.78515625 7.83398438 C-5.18740362 5.22533255 -2.59282038 2.61355529 0 0 Z " fill="#FDFDFD" transform="translate(2882,2347)"/>
<path d="M0 0 C0.24121582 1.1559668 0.48243164 2.31193359 0.73095703 3.50292969 C6.31398193 30.29358667 6.31398193 30.29358667 12 57.0625 C12.22478027 58.11026611 12.44956055 59.15803223 12.68115234 60.23754883 C14.00961702 66.41952676 15.34672177 72.59957878 16.68811035 78.77876282 C17.50753291 82.55733678 18.3237776 86.33659402 19.13964844 90.11593628 C19.54054402 91.96921644 19.94284399 93.82219348 20.34667969 95.67483521 C22.54264791 105.75060961 24.62232236 115.77366235 26 126 C20.28938701 126.43055755 14.57853217 126.85769664 8.86743164 127.28173828 C6.92660705 127.42631767 4.98585049 127.57181351 3.04516602 127.71826172 C0.24773476 127.92919908 -2.54992859 128.13678567 -5.34765625 128.34375 C-6.2083522 128.40937134 -7.06904816 128.47499268 -7.95582581 128.54260254 C-12.65303887 128.88652258 -17.29023887 129.06668688 -22 129 C-22.5576001 127.24417603 -22.5576001 127.24417603 -23.12646484 125.45288086 C-29.95817861 103.94422836 -36.8056306 82.44131889 -43.75 60.96875 C-46.29184088 53.10657321 -48.80780445 45.23616715 -51.31396484 37.36254883 C-53.22895316 31.35957647 -55.21079106 25.38381829 -57.25244141 19.42260742 C-58 17 -58 17 -58 15 C-57.1742749 14.76490723 -56.3485498 14.52981445 -55.49780273 14.28759766 C-46.34464857 11.67751605 -37.2017767 9.03321697 -28.0625 6.375 C-26.01740554 5.78036326 -23.9722832 5.1858228 -21.92710876 4.59146118 C-20.09075104 4.05775946 -18.25447901 3.5237629 -16.41821289 2.98974609 C-15.29020264 2.66312988 -14.16219238 2.33651367 -13 2 C-11.82493896 1.6282666 -10.64987793 1.2565332 -9.43920898 0.87353516 C-6.12828408 0.03258326 -3.39625687 -0.16567107 0 0 Z " fill="#FDFDFD" transform="translate(2633,1173)"/>
<path d="M0 0 C-0.11754639 0.99588135 -0.23509277 1.9917627 -0.35620117 3.01782227 C-0.52266867 4.42984496 -0.68908689 5.84187346 -0.85546875 7.25390625 C-0.94539597 8.016996 -1.03532318 8.78008575 -1.12797546 9.56629944 C-1.70205273 14.44547751 -2.26914726 19.32540894 -2.83113098 24.20599365 C-5.48365605 47.20439444 -8.4613676 70.12063657 -12 93 C-19.20165515 95.61662772 -26.49686909 97.30217495 -33.98248291 98.87481689 C-44.57834912 101.10442917 -55.1319714 103.44762571 -65.625 106.125 C-73.48167704 108.12637386 -81.34818486 110.05892534 -89.25 111.875 C-90.17377441 112.09043457 -91.09754883 112.30586914 -92.04931641 112.52783203 C-93.33201416 112.81956299 -93.33201416 112.81956299 -94.640625 113.1171875 C-95.38860352 113.28847168 -96.13658203 113.45975586 -96.90722656 113.63623047 C-99 114 -99 114 -103 114 C-101.0650138 107.30582445 -98.89963551 100.74367927 -96.48828125 94.20703125 C-96.1589006 93.30567444 -95.82951996 92.40431763 -95.49015808 91.47564697 C-94.07139235 87.59471323 -92.64514157 83.71654921 -91.21826172 79.83859253 C-86.12970954 66.07606877 -86.12970954 66.07606877 -81.44921875 52.171875 C-81.10656982 51.10735107 -80.7639209 50.04282715 -80.41088867 48.94604492 C-79.82764231 47.09969736 -79.266972 45.24597168 -78.7355957 43.3840332 C-76.42273392 36.1111469 -72.03113613 34.1154051 -65.50723267 30.69187927 C-62.71654758 29.28194369 -59.91072785 27.90767775 -57.09765625 26.54296875 C-56.06168808 26.0363118 -55.02571991 25.52965485 -53.95835876 25.00764465 C-51.77165762 23.93916968 -49.58393892 22.87277496 -47.39526367 21.80834961 C-44.10186915 20.20664671 -40.81140368 18.5990614 -37.52148438 16.99023438 C-28.05357724 12.3656989 -18.5746867 7.76297527 -9.05859375 3.23828125 C-8.36089371 2.90354294 -7.66319366 2.56880463 -6.9443512 2.22392273 C-2.23375953 0 -2.23375953 0 0 0 Z " fill="#FDFDFD" transform="translate(2755,2594)"/>
<path d="M0 0 C9.59232244 21.20489285 19.10852049 42.43980193 28.43884277 63.76141357 C35.20196178 79.21549101 42.06128957 94.62398192 49 110 C45.15260511 110 42.58549241 108.44596371 39.26171875 106.703125 C38.59346573 106.35851227 37.92521271 106.01389954 37.23670959 105.65884399 C35.05032365 104.52883657 32.86884409 103.38970569 30.6875 102.25 C29.17168637 101.46344056 27.65573496 100.67714658 26.13964844 99.89111328 C17.09459371 95.1907082 8.11116016 90.38870287 -0.81176758 85.45996094 C-8.30468394 81.33608854 -15.89351893 77.40850013 -23.5 73.5 C-32.9844983 68.62619674 -42.39851517 63.64788337 -51.73632812 58.49707031 C-60.23726758 53.82625893 -68.85879755 49.39520019 -77.48291016 44.95800781 C-84.63206947 41.26657788 -91.67097258 37.45494174 -98.59375 33.35546875 C-101.02252822 31.88688424 -101.02252822 31.88688424 -104 31 C-104 30.34 -104 29.68 -104 29 C-103.36312256 28.82460693 -102.72624512 28.64921387 -102.07006836 28.46850586 C-90.50572216 25.27623753 -78.96400355 22.0376649 -67.5 18.5 C-58.5220803 15.73202734 -49.50421437 13.14529744 -40.45019531 10.63818359 C-31.84180571 8.25085851 -23.26582561 5.76115104 -14.70141602 3.22070312 C-13.76354248 2.94419922 -12.82566895 2.66769531 -11.859375 2.3828125 C-11.03920898 2.13934082 -10.21904297 1.89586914 -9.37402344 1.64501953 C-6.26582452 0.80052534 -3.23204607 0 0 0 Z " fill="#FCFCFC" transform="translate(2955,1080)"/>
<path d="M0 0 C3.06193331 2.64042193 4.62079025 5.75304392 6.484375 9.30859375 C6.81694809 9.93901581 7.14952118 10.56943787 7.49217224 11.21896362 C8.58307882 13.28923994 9.66642627 15.36337781 10.75 17.4375 C11.50757811 18.87753482 12.26580504 20.31722848 13.0246582 21.7565918 C14.19167731 23.97034018 15.35829205 26.18429111 16.52290344 28.39930725 C20.06215047 35.13012474 23.64157458 41.83895972 27.23669434 48.54006958 C28.15894233 50.25926464 29.07997889 51.97910941 30.00097656 53.69897461 C30.57170898 54.7638208 31.14244141 55.82866699 31.73046875 56.92578125 C32.54136963 58.45452881 32.54136963 58.45452881 33.36865234 60.01416016 C34.46384824 62.01868661 35.6060444 63.99818106 36.79150391 65.95068359 C37.35144043 66.8886377 37.91137695 67.8265918 38.48828125 68.79296875 C38.99528564 69.60660889 39.50229004 70.42024902 40.0246582 71.25854492 C42.12677497 77.16709792 39.73280557 83.44057639 37.890625 89.18359375 C37.68361465 89.83651901 37.47660431 90.48944427 37.26332092 91.16215515 C36.59831891 93.2559391 35.92412312 95.34663718 35.25 97.4375 C34.55690982 99.61374147 33.86640657 101.79079149 33.17622375 103.96795654 C32.72536217 105.39010303 32.2737814 106.81202174 31.82145691 108.23370361 C30.2502883 113.17892205 28.74367709 118.13769883 27.3125 123.125 C24.41328329 133.14711244 21.19655556 143.06947824 18 153 C14.23724941 149.33302851 10.77117252 145.50661952 7.375 141.5 C6.85574951 140.89051514 6.33649902 140.28103027 5.80151367 139.65307617 C4.1988889 137.77050846 2.5993826 135.88532233 1 134 C0.03006657 132.86057607 -0.93998119 131.72124945 -1.91015625 130.58203125 C-6.13428968 125.61371942 -10.3239085 120.62310537 -14.4375 115.5625 C-17.8567807 111.36306256 -21.34583008 107.23185472 -24.875 103.125 C-25.37612305 102.53992676 -25.87724609 101.95485352 -26.39355469 101.35205078 C-28.96859239 98.34893986 -31.55907428 95.36142349 -34.17578125 92.39453125 C-35.17975526 91.24224653 -36.18366405 90.08990499 -37.1875 88.9375 C-37.65720215 88.41365723 -38.1269043 87.88981445 -38.61083984 87.35009766 C-41.28936522 84.25533523 -42.6480533 82.08205136 -43 78 C-42.12646484 75.59423828 -42.12646484 75.59423828 -40.7109375 73.0703125 C-40.18822266 72.12220703 -39.66550781 71.17410156 -39.12695312 70.19726562 C-38.54880859 69.18341797 -37.97066406 68.16957031 -37.375 67.125 C-36.48844727 65.53075195 -36.48844727 65.53075195 -35.58398438 63.90429688 C-33.73796443 60.59398963 -31.87164609 57.29587494 -30 54 C-28.89817143 52.04962945 -27.79659781 50.09911485 -26.6953125 48.1484375 C-25.09946619 45.32514795 -23.50171728 42.50301891 -21.89819336 39.68408203 C-17.25594903 31.50974111 -12.76504838 23.25747277 -8.3125 14.97851562 C-5.60524139 9.94632119 -2.86390551 4.94487283 0 0 Z " fill="#FDFDFD" transform="translate(1237,2092)"/>
<path d="M0 0 C3.00516708 1.36696681 5.28212319 2.94534272 7.73828125 5.14453125 C8.78363037 6.07966553 8.78363037 6.07966553 9.85009766 7.03369141 C13.32987246 10.21630625 16.76674175 13.44163527 20.1875 16.6875 C25.81815838 22.00909153 31.46937753 27.30492062 37.1730957 32.5480957 C40.09127752 35.23264045 42.9974311 37.92914298 45.890625 40.640625 C46.55368652 41.26179199 47.21674805 41.88295898 47.89990234 42.52294922 C49.17224397 43.71602506 50.44348972 44.9102712 51.71337891 46.10595703 C52.30038574 46.65622559 52.88739258 47.20649414 53.4921875 47.7734375 C54.00120605 48.25216309 54.51022461 48.73088867 55.03466797 49.22412109 C56.88256429 50.99302435 56.88256429 50.99302435 58.73799133 52.1076355 C61.8309716 54.26141912 63.69272746 55.85422071 64.68963623 59.57156372 C65.00423465 62.79907471 65.09943245 65.96809942 65.12109375 69.2109375 C65.17282494 71.01058456 65.17282494 71.01058456 65.2256012 72.84658813 C65.32809773 76.6893918 65.38318922 80.53124481 65.4375 84.375 C65.49890204 86.89070132 65.56332689 89.40633078 65.63085938 91.921875 C66.01452686 107.27982546 66.07912685 122.63802904 66 138 C56.7609805 132.7396435 47.54796174 127.43751046 38.375 122.0625 C37.76514252 121.70537933 37.15528503 121.34825867 36.52694702 120.98031616 C23.59238391 113.39997224 10.77847147 105.62694709 -2.01708984 97.81494141 C-6.3323824 95.18931652 -10.66372659 92.59079385 -15 90 C-14.36855183 82.59864968 -13.31198122 75.3203807 -12.0625 68 C-11.89298828 66.98421875 -11.72347656 65.9684375 -11.54882812 64.921875 C-10.78495394 60.39091026 -9.98992414 55.87466449 -9.05859375 51.375 C-7.479358 43.62506112 -6.27854932 35.80388623 -5 28 C-1.88727583 9.00085397 -1.88727583 9.00085397 0 0 Z " fill="#FDFDFD" transform="translate(1284,2367)"/>
<path d="M0 0 C4.22800979 1.58179555 8.17548005 3.59192746 12.15234375 5.7109375 C13.18363655 6.25683784 13.18363655 6.25683784 14.23576355 6.81376648 C16.47111106 7.99816082 18.70437296 9.18642508 20.9375 10.375 C22.49394046 11.20116097 24.05041859 12.02725096 25.60693359 12.85327148 C34.64883447 17.65702482 43.66181049 22.50991505 52.63452148 27.44189453 C58.05450538 30.41402849 63.49872491 33.33692335 68.9609375 36.23046875 C69.66364777 36.60281143 70.36635803 36.97515411 71.09036255 37.35877991 C74.56236795 39.19740199 78.03613074 41.03261212 81.51220703 42.86352539 C90.11113027 47.4033591 98.58832264 52.12201022 107 57 C105.46724513 65.25884389 102.58578622 72.92062436 99.625 80.75 C98.6541669 83.32639197 97.68762031 85.90432019 96.7265625 88.484375 C96.49211426 89.113508 96.25766602 89.74264099 96.01611328 90.39083862 C94.10149623 95.59129122 92.45215112 100.84991076 90.89697266 106.16748047 C90.00285044 108.99099868 88.93414161 111.66180574 87.75 114.375 C84.65837899 121.52437359 82.19961252 128.889145 79.67871094 136.25537109 C79.34645508 137.22555176 79.01419922 138.19573242 78.671875 139.1953125 C78.3737793 140.07203613 78.07568359 140.94875977 77.76855469 141.85205078 C77 144 77 144 76 146 C71.62561642 146.64157626 68.1713483 146.54551814 64 145 C60.73544946 141.03805008 59.03048549 136.55867596 57.13720703 131.81689453 C55.876301 128.69359403 54.53700042 125.6116745 53.18359375 122.52734375 C51.26454897 118.14895815 49.35859829 113.7657872 47.47409058 109.37243652 C43.49980962 100.10828331 39.41951336 90.89344441 35.3125 81.6875 C28.60872723 66.65289487 21.97517096 51.58834905 15.37817383 36.5065918 C14.67021738 34.88975307 13.96212984 33.27297173 13.25390625 31.65625 C12.91144363 30.87365311 12.56898102 30.09105621 12.21614075 29.28474426 C10.3266117 24.97900463 8.41022444 20.68684828 6.46435547 16.40625 C6.04701645 15.48694702 5.62967743 14.56764404 5.19969177 13.6204834 C4.39130253 11.84361934 3.57962878 10.06824502 2.76429749 8.29455566 C2.40242844 7.49932495 2.04055939 6.70409424 1.66772461 5.88476562 C1.34517197 5.18146118 1.02261932 4.47815674 0.69029236 3.75354004 C0 2 0 2 0 0 Z " fill="#FDFDFD" transform="translate(3042,1231)"/>
<path d="M0 0 C-0.82625963 7.72159296 -2.30255972 15.3123192 -3.75 22.9375 C-4.02225264 24.38052709 -4.29446894 25.82356104 -4.56665039 27.26660156 C-6.32670525 36.5723385 -8.14702741 45.86487719 -10.02319336 55.14794922 C-12.00053487 64.94358977 -13.90852797 74.75239067 -15.8125 84.5625 C-15.97160858 85.38214233 -16.13071716 86.20178467 -16.29464722 87.04626465 C-17.19734403 91.69733316 -18.09908391 96.34858625 -19 101 C-25.79344913 99.60432367 -32.28831779 97.73092755 -38.87109375 95.55859375 C-40.37640404 95.06698509 -40.37640404 95.06698509 -41.91212463 94.56544495 C-44.01620566 93.87740735 -46.11962709 93.18734967 -48.22241211 92.49536133 C-51.45083843 91.43311125 -54.68127815 90.37717596 -57.91210938 89.32226562 C-59.96105678 88.65140586 -62.0098891 87.9801945 -64.05859375 87.30859375 C-65.51005043 86.83358681 -65.51005043 86.83358681 -66.99082947 86.34898376 C-67.88258377 86.0552034 -68.77433807 85.76142303 -69.69311523 85.45874023 C-70.47871323 85.20051987 -71.26431122 84.9422995 -72.07371521 84.67625427 C-74 84 -74 84 -76 83 C-76.69848633 80.96899414 -76.69848633 80.96899414 -77.33203125 78.28515625 C-77.57042725 77.29854004 -77.80882324 76.31192383 -78.05444336 75.29541016 C-78.30460205 74.2285498 -78.55476074 73.16168945 -78.8125 72.0625 C-79.34973747 69.84200557 -79.88881332 67.62195515 -80.4296875 65.40234375 C-80.82945801 63.75661377 -80.82945801 63.75661377 -81.23730469 62.07763672 C-82.23013028 58.07137571 -83.31272766 54.09591503 -84.4375 50.125 C-84.83612508 48.7083861 -85.23455521 47.29171734 -85.6328125 45.875 C-85.84454102 45.1221875 -86.05626953 44.369375 -86.27441406 43.59375 C-87.8084662 38.10997817 -89.31413838 32.61861566 -90.8125 27.125 C-91.28417603 25.41981201 -91.28417603 25.41981201 -91.76538086 23.68017578 C-92.05550049 22.6126709 -92.34562012 21.54516602 -92.64453125 20.4453125 C-92.90596924 19.49156738 -93.16740723 18.53782227 -93.43676758 17.55517578 C-94 15 -94 15 -94 11 C-76.04391359 8.30352286 -58.03103737 6.12098837 -40 4 C-39.21137573 3.90700623 -38.42275146 3.81401245 -37.61022949 3.71820068 C-32.76847095 3.14753279 -27.92623632 2.58117706 -23.08331299 2.02047729 C-21.53857766 1.84141181 -19.99393876 1.66151237 -18.44940186 1.48074341 C-16.29471492 1.22906494 -14.13962436 0.98118473 -11.984375 0.734375 C-10.75428711 0.59225586 -9.52419922 0.45013672 -8.25683594 0.30371094 C-5.47576447 0.04436664 -2.78966173 -0.06205116 0 0 Z " fill="#FDFDFD" transform="translate(1154,2955)"/>
<path d="M0 0 C0.33 0 0.66 0 1 0 C2.18095523 13.69137002 3.35497769 27.38331563 4.52036285 41.07602024 C5.06181831 47.43533212 5.60558259 53.79442829 6.15478516 60.15307617 C6.68555845 66.29937235 7.21005548 72.44617586 7.73036194 78.59336662 C7.92908773 80.92846395 8.13000384 83.26337603 8.33323669 85.5980854 C9.39018432 97.75678136 10.35116396 109.78845913 10 122 C-3.53545888 125.66587376 -17.12978591 128.93357716 -30.8125 132 C-33.58419894 132.6247732 -36.35568394 133.25048955 -39.12716675 133.8762207 C-40.96293699 134.29001349 -42.79897432 134.70262328 -44.63528442 135.11401367 C-49.465602 136.19681616 -54.29088313 137.29767983 -59.11083984 138.42578125 C-60.10935471 138.6578125 -61.10786957 138.88984375 -62.13664246 139.12890625 C-64.04777673 139.57364004 -65.9579263 140.0226341 -67.86689758 140.4765625 C-68.72897324 140.67636719 -69.59104889 140.87617188 -70.47924805 141.08203125 C-71.23352585 141.25968018 -71.98780365 141.4373291 -72.76493835 141.62036133 C-75.24819937 142.04215816 -77.48634423 142.18244448 -80 142 C-81.87109375 140.20703125 -81.87109375 140.20703125 -83.4375 137.8125 C-83.97246094 137.03519531 -84.50742188 136.25789063 -85.05859375 135.45703125 C-86 133 -86 133 -85.29516602 130.7109375 C-83.83546508 127.65560871 -82.11908752 124.97141692 -80.21875 122.16796875 C-79.8491214 121.61908997 -79.4794928 121.07021118 -79.09866333 120.50469971 C-78.31046275 119.33476055 -77.52030019 118.16614117 -76.72833252 116.99874878 C-74.66001135 113.94888717 -72.60705152 110.88873909 -70.5546875 107.828125 C-70.15244965 107.2287059 -69.75021179 106.6292868 -69.33578491 106.01170349 C-66.34265336 101.54003474 -63.44161399 97.02190594 -60.625 92.4375 C-56.90815867 86.40125568 -53.03118298 80.49131371 -49.08129883 74.60522461 C-44.2754652 67.43581711 -39.53906813 60.22176302 -34.8125 53 C-34.40946655 52.38437195 -34.00643311 51.7687439 -33.59118652 51.13446045 C-29.53777072 44.94244873 -25.48814939 38.7479596 -21.44062805 32.55209351 C-20.29410764 30.79702594 -19.14742497 29.04206448 -18.00073242 27.28710938 C-16.59388652 25.1339562 -15.18792069 22.98023737 -13.7824707 20.82617188 C-11.85914628 17.88135971 -9.93049603 14.9401149 -8 12 C-7.63743103 11.4451593 -7.27486206 10.8903186 -6.90130615 10.31866455 C-5.79572836 8.62814961 -4.6850303 6.94098678 -3.57421875 5.25390625 C-2.5836145 3.74485718 -2.5836145 3.74485718 -1.57299805 2.20532227 C-0.79436401 1.11368774 -0.79436401 1.11368774 0 0 Z " fill="#FDFDFD" transform="translate(3323,2428)"/>
<path d="M0 0 C2.44825953 -0.00217516 4.89605858 -0.02036854 7.34423828 -0.03930664 C46.27215136 -0.17962176 85.66121351 9.75820969 119.97607422 28.18383789 C121.96799444 29.2494165 123.972977 30.28705282 125.98095703 31.32202148 C127.33300259 32.02552096 128.68458136 32.72991843 130.03564453 33.43530273 C130.64802979 33.75249268 131.26041504 34.06968262 131.89135742 34.39648438 C135.53862759 36.33385811 138.7047589 38.50957711 141.84814453 41.18530273 C140.63900391 40.90686523 139.42986328 40.62842773 138.18408203 40.34155273 C77.35352991 26.87108349 22.06888891 35.95770569 -38.18261719 46.91967773 C-45.59899258 48.26803758 -53.01735376 49.60512995 -60.43701172 50.93530273 C-62.19240517 51.25144531 -62.19240517 51.25144531 -63.98326111 51.57397461 C-69.36327316 52.53669466 -74.73367001 53.465551 -80.15185547 54.18530273 C-80.58416427 49.91740305 -81.01120636 45.64901724 -81.43359375 41.38012695 C-81.57769125 39.93109278 -81.72317133 38.48219536 -81.87011719 37.03344727 C-82.08234639 34.93858625 -82.28942676 32.84326689 -82.49560547 30.74780273 C-82.62128906 29.4909668 -82.74697266 28.23413086 -82.87646484 26.93920898 C-83.16585995 22.99440473 -83.19782482 19.1386673 -83.15185547 15.18530273 C-74.01403915 11.45803555 -64.65128343 8.90217187 -55.08935547 6.49780273 C-53.91920898 6.20059326 -52.7490625 5.90338379 -51.54345703 5.59716797 C-34.42098746 1.37166068 -17.57053925 -0.00173794 0 0 Z " fill="#FCFCFC" transform="translate(2933.15185546875,652.814697265625)"/>
<path d="M0 0 C26.27055949 7.86847676 51.09710996 26.62971776 70.92578125 45.078125 C72.83958563 46.85136748 74.80845134 48.51814813 76.8125 50.1875 C88.41183031 60.3660288 97.98958285 72.5404212 107 85 C107.4444043 85.61423828 107.88880859 86.22847656 108.34667969 86.86132812 C124.47515729 109.44863496 146 144.47151761 146 173 C145.20303711 173.40839111 144.40607422 173.81678223 143.58496094 174.23754883 C140.61645852 175.76095035 137.64971416 177.28767368 134.68408203 178.81665039 C133.40254003 179.47651025 132.12032049 180.13505602 130.83740234 180.79223633 C128.98874175 181.73951354 127.1426052 182.69155945 125.296875 183.64453125 C124.18666992 184.21534424 123.07646484 184.78615723 121.93261719 185.37426758 C119.03488241 186.88319743 119.03488241 186.88319743 116.79394531 188.7097168 C115 190 115 190 112 190 C101.96856927 167.82440957 92.02159072 145.6153377 82.27978516 123.31079102 C68.37617918 91.49109255 54.13000637 61.10225463 32 34 C31.34064453 33.18837402 31.34064453 33.18837402 30.66796875 32.36035156 C22.90037752 22.85872764 14.4003474 14.18593452 5.63671875 5.60449219 C3.74449341 3.74952427 1.8689081 1.87844334 0 0 Z " fill="#FCFCFC" transform="translate(2682,485)"/>
<path d="M0 0 C0.66 0 1.32 0 2 0 C3.47167969 1.47753906 3.47167969 1.47753906 5.171875 3.515625 C8.74451867 7.7163446 12.46219474 11.7435624 16.25 15.75 C21.60874384 21.44106904 26.92029879 27.16903448 32.19140625 32.94140625 C35.43556339 36.48462865 38.71824097 39.99163806 42 43.5 C47.12747529 48.98267315 52.2204619 54.49448475 57.28515625 60.03515625 C60.19922265 63.22178421 63.1307647 66.39213509 66.0625 69.5625 C71.40803376 75.34523758 76.71322809 81.16349738 82 87 C80.71119914 90.69969203 79.25659021 93.10898533 76.5625 95.9375 C73.14772046 99.65881271 69.96673734 103.50933848 66.875 107.5 C62.67342833 112.91069968 58.37160103 118.22577514 54 123.5 C49.27494656 129.20666665 44.6246085 134.96001736 40.06713867 140.80126953 C34.77453632 147.58453791 29.38494218 154.28996733 24 161 C22.37007308 160.60304363 20.74607765 160.18167507 19.125 159.75 C17.76761719 159.40195313 17.76761719 159.40195313 16.3828125 159.046875 C13.4457646 157.75649986 13.16946049 156.91704975 12 154 C11.62172794 151.89045715 11.62172794 151.89045715 11.43800354 149.58520508 C11.3638623 148.70617523 11.28972107 147.82714539 11.21333313 146.92147827 C11.10495369 145.4850145 11.10495369 145.4850145 10.99438477 144.01953125 C10.91112946 143.00388092 10.82787415 141.98823059 10.74209595 140.94180298 C10.46733807 137.565952 10.20439221 134.18928679 9.94140625 130.8125 C9.75040832 128.43817286 9.55865859 126.0639061 9.36619568 123.68969727 C8.85864922 117.4043358 8.36099523 111.11822897 7.86547852 104.83190918 C7.37096722 98.57759653 6.86793818 92.3239711 6.36523438 86.0703125 C5.78019547 78.78780661 5.19617308 71.50522833 4.61807251 64.22216797 C3.7830501 53.70866422 2.94171009 43.19606237 2.04638672 32.6875 C1.93795205 31.41073143 1.93795205 31.41073143 1.82732677 30.10816956 C1.50101531 26.27212726 1.17111264 22.43645854 0.83436584 18.60131836 C0.3007797 12.37674799 -0.15470843 6.24803176 0 0 Z " fill="#FDFDFD" transform="translate(3269,1592)"/>
<path d="M0 0 C-0.3559805 6.48130022 -1.07474632 12.78705142 -2.3203125 19.16015625 C-3.52647015 25.42875752 -4.66492043 31.70607817 -5.75390625 37.99609375 C-5.90199234 38.84918121 -6.05007843 39.70226868 -6.20265198 40.58120728 C-6.81124106 44.09054097 -7.41816243 47.60015851 -8.02319336 51.11010742 C-8.47323819 53.71826197 -8.92591902 56.32594886 -9.37890625 58.93359375 C-9.51228897 59.71190048 -9.64567169 60.49020721 -9.78309631 61.292099 C-10.45996143 65.18001286 -11.18242169 69.05788702 -11.97558594 72.92382812 C-12.12324402 73.65081909 -12.2709021 74.37781006 -12.42303467 75.12683105 C-13.36130796 78.17301823 -15.08118745 79.33129969 -17.6875 81.0625 C-18.76 81.79984375 -19.8325 82.5371875 -20.9375 83.296875 C-21.87916016 83.92045898 -21.87916016 83.92045898 -22.83984375 84.55664062 C-25.35567582 86.23765319 -27.83403219 87.96749839 -30.3125 89.703125 C-34.28034269 92.48091641 -38.25535453 95.2477841 -42.23828125 98.00390625 C-47.13450193 101.39508493 -52.01217058 104.8111534 -56.875 108.25 C-57.54176758 108.72058838 -58.20853516 109.19117676 -58.89550781 109.67602539 C-62.52445963 112.23969002 -66.14295243 114.81729181 -69.75390625 117.40625 C-70.53717285 117.96538086 -71.32043945 118.52451172 -72.12744141 119.10058594 C-73.63644205 120.17803345 -75.1427561 121.25925634 -76.64599609 122.34472656 C-81.77493223 126 -81.77493223 126 -84 126 C-85.30763867 96.00425348 -86.39624167 66.01856976 -87 36 C-76.86478434 31.21107716 -66.5907323 26.8208511 -56.25 22.5 C-52.89408192 21.094821 -49.53875062 19.68824544 -46.18359375 18.28125 C-45.33947433 17.92748291 -44.49535492 17.57371582 -43.62565613 17.20922852 C-37.83462355 14.77912387 -32.05658593 12.32001309 -26.28515625 9.84375 C-24.75685423 9.18941041 -23.22853431 8.5351126 -21.70019531 7.88085938 C-19.51878692 6.94684586 -17.33820857 6.01111273 -15.16003418 5.06958008 C-13.16726861 4.20834047 -11.17184831 3.3535535 -9.17578125 2.5 C-8.05083252 2.0153125 -6.92588379 1.530625 -5.7668457 1.03125 C-3 0 -3 0 0 0 Z " fill="#FDFDFD" transform="translate(1414,1577)"/>
<path d="M0 0 C5.51628591 2.96365164 10.29816521 6.41345852 15.1875 10.3125 C21.66859526 15.41759649 28.20000417 20.44122636 34.8125 25.375 C41.73721157 30.54616008 48.6321162 35.75358511 55.5 41 C62.30885679 46.19985647 69.13966357 51.36825227 76 56.5 C82.86033926 61.63174984 89.6909433 66.80040246 96.5 72 C103.52171863 77.36009056 110.55958306 82.69761083 117.625 88 C118.45483398 88.62277832 119.28466797 89.24555664 120.13964844 89.88720703 C125.47904572 93.88473799 130.85441719 97.823222 136.296875 101.6796875 C136.85890625 102.11539063 137.4209375 102.55109375 138 103 C138 103.33 138 103.66 138 104 C97.74 104 57.48 104 16 104 C13.7537092 95.0148368 13.7537092 95.0148368 13.32421875 91.8984375 C13.22109375 91.17648193 13.11796875 90.45452637 13.01171875 89.71069336 C12.85123047 88.55452515 12.85123047 88.55452515 12.6875 87.375 C11.41283104 78.54130679 9.98029314 69.73894568 8.5 60.9375 C6.73112404 50.39895779 4.9820891 39.8594255 3.35595703 29.29785156 C2.96081884 26.74706921 2.55629489 24.19783828 2.15234375 21.6484375 C1.87201907 19.84901699 1.59206243 18.04953909 1.3125 16.25 C1.11503174 15.01612549 1.11503174 15.01612549 0.91357422 13.75732422 C0.20108226 9.10934505 -0.13201593 4.70228158 0 0 Z " fill="#FCFCFC" transform="translate(1513,3197)"/>
<path d="M0 0 C0.11480713 0.73895508 0.22961426 1.47791016 0.34790039 2.23925781 C0.81061292 5.21490399 1.2741549 8.19042001 1.73797607 11.16589355 C2.06515591 13.26705635 2.39121587 15.36839117 2.71728516 17.46972656 C3.92573815 25.23816923 5.15802098 33.00207144 6.4304657 40.76031494 C7.08726737 44.76615561 7.73842795 48.77290688 8.38961792 52.77966309 C8.71301711 54.75873194 9.03928805 56.73733368 9.36843872 58.7154541 C9.83355255 61.51230373 10.28882381 64.31060028 10.7421875 67.109375 C10.95582695 68.36989685 10.95582695 68.36989685 11.17378235 69.65588379 C11.29803085 70.43427612 11.42227936 71.21266846 11.55029297 72.01464844 C11.6617868 72.69090271 11.77328064 73.36715698 11.88815308 74.06390381 C12.17710847 79.06578868 9.6067146 82.26912265 6.75 86.125 C6.30889893 86.73118164 5.86779785 87.33736328 5.41333008 87.96191406 C4.45255879 89.28199684 3.48931928 90.60028591 2.52392578 91.91699219 C0.43828854 94.76778631 -1.62563656 97.63402215 -3.69067383 100.49975586 C-7.55114621 105.85606686 -11.42305137 111.20412159 -15.296875 116.55078125 C-16.38544708 118.05466548 -17.47398895 119.55857159 -18.5625 121.0625 C-19.35841553 122.16005615 -19.35841553 122.16005615 -20.17041016 123.27978516 C-22.95611647 127.13123839 -25.70715551 131.0028419 -28.4140625 134.91015625 C-28.96376709 135.70091553 -29.51347168 136.4916748 -30.07983398 137.30639648 C-31.13209591 138.82398669 -32.17872111 140.34550461 -33.21899414 141.87133789 C-34.4299863 143.61619262 -35.70863878 145.31375973 -37 147 C-37.66 147 -38.32 147 -39 147 C-41.12263275 141.62409361 -43.2383713 136.24557045 -45.34336853 130.86273193 C-45.60904129 130.18357727 -45.87471405 129.50442261 -46.1484375 128.8046875 C-46.42953873 128.0860553 -46.71063995 127.3674231 -47.0002594 126.62701416 C-49.32016926 120.70805641 -51.67130926 114.80184073 -54.02720642 108.89712524 C-55.97578277 104.00427742 -57.91101276 99.10620675 -59.84439087 94.20733643 C-60.82457184 91.73213854 -61.81024949 89.25911042 -62.80136108 86.78826904 C-64.2113353 83.27058321 -65.60177265 79.74573861 -66.98828125 76.21875 C-67.42310822 75.1469046 -67.85793518 74.0750592 -68.30593872 72.97073364 C-68.69135834 71.97943451 -69.07677795 70.98813538 -69.47387695 69.96679688 C-69.99036552 68.66784485 -69.99036552 68.66784485 -70.51728821 67.34265137 C-71 65 -71 65 -70.18769836 62.79133606 C-68.8924401 60.83777368 -67.53041853 59.37868949 -65.8046875 57.79296875 C-65.1753833 57.2100708 -64.5460791 56.62717285 -63.89770508 56.02661133 C-63.2302124 55.41970459 -62.56271973 54.81279785 -61.875 54.1875 C-61.19139404 53.55803467 -60.50778809 52.92856934 -59.8034668 52.2800293 C-55.92474916 48.71918631 -52.0106655 45.20416748 -48.01953125 41.76953125 C-45.30513807 39.3911558 -42.65427613 36.94491095 -40 34.5 C-36.09025645 30.89979545 -32.14133329 27.35582218 -28.125 23.875 C-24.85152996 20.98664408 -21.64995808 18.02011939 -18.43945312 15.06225586 C-14.88334818 11.79211159 -11.2742542 8.59380653 -7.6171875 5.4375 C-6.23110228 4.20542425 -4.9192038 2.8907618 -3.625 1.5625 C-2 0 -2 0 0 0 Z " fill="#FDFDFD" transform="translate(1284,1821)"/>
<path d="M0 0 C3.28418504 3.06277931 5.69883925 6.33177541 8.1875 10.0625 C11.80614087 15.41172937 15.68334799 20.43328892 19.859375 25.3671875 C22.39340438 28.48385867 24.69067719 31.713656 27 35 C-3.31500009 66.56477283 -40.29383361 87.22539978 -82 100 C-82.80727539 100.25265625 -83.61455078 100.5053125 -84.44628906 100.765625 C-99.29994496 105.34576729 -114.60279212 107.17659976 -130 109 C-130.84602783 109.10747559 -131.69205566 109.21495117 -132.5637207 109.32568359 C-140.05169864 110.19880454 -147.53210748 110.14729026 -155.0625 110.125 C-156.37283203 110.12886719 -157.68316406 110.13273437 -159.03320312 110.13671875 C-165.77418199 110.12992683 -172.32045484 109.92182113 -179 109 C-178.505 108.01 -178.505 108.01 -178 107 C-175.6865503 106.39906354 -173.40399065 105.90343489 -171.0625 105.4375 C-126.63382331 95.67078906 -88.2945018 71.97981504 -53.66748047 43.37207031 C-51.46319763 41.55829732 -49.23409498 39.77686755 -47 38 C-42.64433976 34.52724386 -38.32094958 31.01575418 -34 27.5 C-28.92713012 23.37244351 -23.84027604 19.26441252 -18.7265625 15.1875 C-12.45773627 10.15806921 -6.23298317 5.07373658 0 0 Z " fill="#FCFCFC" transform="translate(2057,3683)"/>
<path d="M0 0 C4.78972538 3.12219136 9.47800377 6.33246644 14.0625 9.75 C21.10350321 14.92543826 28.55286327 19.44014714 36 24 C34.41278269 29.51959279 31.88163149 34.30963516 29.125 39.3125 C28.64248779 40.18825684 28.15997559 41.06401367 27.6628418 41.96630859 C18.97799221 57.42000622 8.16490185 71.48581496 -3.77734375 84.5546875 C-5.91048395 86.90151662 -7.98632073 89.29034586 -10.0625 91.6875 C-13.06944747 95.06516702 -16.18589425 98.101647 -19.64453125 101.01171875 C-21.43849061 102.52602275 -23.20135786 104.07724407 -24.94921875 105.64453125 C-53.5777285 131.17414461 -89.2608963 149.45085577 -126 160 C-126.76046631 160.22034912 -127.52093262 160.44069824 -128.30444336 160.66772461 C-133.6330583 162.1223139 -133.6330583 162.1223139 -137 161 C-136.12859375 160.52691406 -135.2571875 160.05382813 -134.359375 159.56640625 C-126.04647783 154.97998022 -118.46119062 149.90244606 -111 144 C-110.13632813 143.3296875 -109.27265625 142.659375 -108.3828125 141.96875 C-103.23757613 137.92949902 -98.32349901 133.68663482 -93.49609375 129.2734375 C-91.85837308 127.78180459 -90.20504577 126.30709219 -88.53515625 124.8515625 C-61.98578881 101.61562323 -44.08353766 70.39237776 -25.76318359 40.70019531 C-17.32930176 27.03601913 -8.71304571 13.48761873 0 0 Z " fill="#FCFCFC" transform="translate(2578,3603)"/>
<path d="M0 0 C-6.43813167 13.44807108 -13.66411032 26.46095138 -20.93746948 39.46907043 C-23.22812301 43.5776619 -25.45067016 47.71751087 -27.64453125 51.87890625 C-28.21276611 52.93650146 -28.78100098 53.99409668 -29.36645508 55.08374023 C-30.42587591 57.05612183 -31.46728769 59.03832456 -32.48706055 61.03149414 C-36.40674035 68.23021933 -36.40674035 68.23021933 -40.6328125 69.8828125 C-42.0822589 70.27895793 -43.53893239 70.64913319 -45 71 C-46.85415378 71.59088792 -48.70552239 72.19055562 -50.5546875 72.796875 C-52.66021881 73.45191431 -54.76706292 74.10274435 -56.875 74.75 C-58.00832764 75.09853027 -59.14165527 75.44706055 -60.30932617 75.80615234 C-70.39362426 78.87465125 -80.54882427 81.63003348 -90.73828125 84.32421875 C-97.75016212 86.18366891 -104.71964519 88.18313503 -111.6809082 90.22314453 C-112.89073364 90.57481689 -112.89073364 90.57481689 -114.125 90.93359375 C-115.18074219 91.2438147 -115.18074219 91.2438147 -116.2578125 91.56030273 C-118 92 -118 92 -120 92 C-117.88790376 83.12180242 -115.38061871 74.40657324 -112.69140625 65.6875 C-112.27906224 64.3434135 -111.86695274 62.99925504 -111.45506287 61.6550293 C-110.59720177 58.85764286 -109.73729868 56.06089589 -108.87573242 53.26464844 C-107.78233877 49.71579692 -106.69295045 46.16573227 -105.60496616 42.61521912 C-104.75590216 39.84529103 -103.90527851 37.07584388 -103.05415154 34.30654907 C-102.45991908 32.37274606 -101.86648988 30.43869627 -101.27308655 28.50463867 C-98.9498101 20.96767354 -96.53073942 13.4699009 -94 6 C-78.251558 4.25148051 -62.47165907 3.14298231 -46.66113281 2.14013672 C-43.17398372 1.91887039 -39.68731239 1.69086015 -36.20072174 1.46098137 C-32.81113533 1.23848984 -29.42118048 1.02187395 -26.03125 0.8046875 C-24.7997522 0.72346649 -23.56825439 0.64224548 -22.29943848 0.55856323 C-14.85483175 0.09239858 -7.45877763 -0.09898481 0 0 Z " fill="#FDFDFD" transform="translate(1617,1388)"/>
<path d="M0 0 C5.19126239 1.07405429 10.23513866 2.34878724 15.3125 3.875 C24.41132672 6.53173755 33.69346019 8.23980937 43 10 C41.06844745 36.50801728 32.69214218 63.19087321 21 87 C20.48131348 88.07193604 20.48131348 88.07193604 19.95214844 89.16552734 C11.6202418 106.21203975 1.38256773 122.58945875 -11 137 C-11.8747708 138.05640416 -12.74837757 139.11377284 -13.62109375 140.171875 C-24.26146419 152.9590659 -35.80352951 164.83438792 -49 175 C-50.04880953 175.82732387 -51.09695918 176.65548479 -52.14453125 177.484375 C-59.20236986 183.03079561 -66.45294433 188.13180913 -74 193 C-74.66 192.67 -75.32 192.34 -76 192 C-75.50008545 191.45617676 -75.0001709 190.91235352 -74.48510742 190.35205078 C-49.92879639 163.24643097 -33.3939808 128.82050453 -23 94 C-22.75475586 93.18692383 -22.50951172 92.37384766 -22.25683594 91.53613281 C-18.19374466 77.87527334 -15.15700499 63.99076722 -12.1171875 50.07617188 C-9.72940415 39.1637051 -7.20439677 28.29122456 -4.5625 17.4375 C-4.38906067 16.72282562 -4.21562134 16.00815125 -4.03692627 15.27182007 C-1.20270252 3.60810757 -1.20270252 3.60810757 0 0 Z " fill="#FCFCFC" transform="translate(3042,3363)"/>
<path d="M0 0 C8.1513521 1.17635502 16.18889705 2.58082187 24.22265625 4.390625 C25.23977188 4.61604477 26.25688751 4.84146454 27.30482483 5.07371521 C30.55821857 5.7954425 33.81034117 6.52273069 37.0625 7.25 C40.42037803 7.99603548 43.77859272 8.74054139 47.13684082 9.48490906 C49.34519384 9.97445377 51.55344684 10.46444992 53.76159668 10.95491028 C62.54138973 12.90384062 71.32919272 14.81229387 80.125 16.6875 C81.26590088 16.93081055 82.40680176 17.17412109 83.58227539 17.42480469 C86.05458726 17.95112318 88.52711015 18.47640516 91 19 C90.31142951 22.64190504 88.77267882 25.47576581 86.97265625 28.69921875 C86.35068359 29.8169165 85.72871094 30.93461426 85.08789062 32.08618164 C84.41302431 33.28676947 83.73788811 34.48720563 83.0625 35.6875 C82.37027728 36.9249563 81.67822106 38.16250576 80.98632812 39.40014648 C76.64102369 47.15677694 72.20550136 54.8550353 67.66015625 62.49609375 C64.1926533 68.33759638 60.82335697 74.2359543 57.4375 80.125 C52.05605515 89.47725899 46.61170191 98.78403426 41 108 C38.05920452 106.62035739 35.51941632 105.02496076 32.91015625 103.09375 C32.1320459 102.51955322 31.35393555 101.94535645 30.55224609 101.35375977 C29.31982178 100.43614868 29.31982178 100.43614868 28.0625 99.5 C27.21510254 98.872146 26.36770508 98.24429199 25.49462891 97.59741211 C19.55058088 93.18246114 13.62719476 88.74381697 7.82421875 84.14453125 C5.07446138 81.97578957 5.07446138 81.97578957 2.20703125 80.32421875 C-0.39906222 78.69591539 -2.10243789 77.41779453 -4 75 C-4.39086914 72.08847046 -4.39086914 72.08847046 -4.28515625 68.68505859 C-4.25156006 67.43505066 -4.21796387 66.18504272 -4.18334961 64.89715576 C-3.89126108 58.68871873 -3.55487484 52.48964088 -3.125 46.2890625 C-3.03491424 44.94146376 -2.94524155 43.59383736 -2.85595703 42.2461853 C-2.62330832 38.75097653 -2.38516669 35.25616452 -2.14575195 31.76141357 C-1.90104326 28.17450477 -1.66170682 24.5872376 -1.421875 21 C-0.95307909 13.9996468 -0.47846074 6.99969984 0 0 Z " fill="#FDFDFD" transform="translate(829,2586)"/>
<path d="M0 0 C14.82468407 -0.35977765 29.0751425 0.01002097 43.69384766 2.59423828 C45.78633612 2.96240638 47.8807563 3.29728395 49.98046875 3.62109375 C69.67464722 6.90685824 88.74413808 12.99544648 107 21 C107.72058594 21.31018066 108.44117187 21.62036133 109.18359375 21.93994141 C139.27193259 34.98972323 165.12826064 55.11397927 188.25 78.125 C188.92377686 78.794104 189.59755371 79.46320801 190.29174805 80.15258789 C194.4048786 84.27894558 198.26198239 88.53063112 202 93 C201.67 93.66 201.34 94.32 201 95 C200.43796875 94.62230469 199.8759375 94.24460937 199.296875 93.85546875 C169.09211234 74.07412878 135.25363533 60.70105893 99.6875 54.5625 C98.46546875 54.34859619 97.2434375 54.13469238 95.984375 53.91430664 C93.49687384 53.47928514 91.00908329 53.0459149 88.52099609 52.61425781 C85.36225477 52.06319741 82.20611589 51.49987048 79.05078125 50.9296875 C66.43430279 48.66431598 53.78305754 46.78479732 41.08984375 45.00390625 C24.66626158 42.69381075 8.26795037 40.2437605 -8 37 C-6.43550631 28.92572032 -4.67087329 20.90057727 -2.875 12.875 C-2.59785156 11.63234375 -2.32070312 10.3896875 -2.03515625 9.109375 C-1.3577437 6.07269804 -0.67933708 3.03624689 0 0 Z " fill="#FCFCFC" transform="translate(3270,997)"/>
<path d="M0 0 C2.3125 0.5 2.3125 0.5 5 2 C7.23477234 6.64832646 8.42065691 11.4976476 9.8046875 16.45703125 C21.60152272 57.747296 40.99637553 94.01906265 69.9453125 125.72265625 C71.70565798 127.6737616 73.39184323 129.66013544 75.0625 131.6875 C79.16791775 136.510805 84.10649962 140.44762632 88.9921875 144.453125 C90.0161732 145.32227121 91.0396142 146.1920596 92.0625 147.0625 C93.02285156 147.85785156 93.98320313 148.65320312 94.97265625 149.47265625 C97 152 97 152 97.04296875 154.62109375 C95.55129656 159.45366472 93.92115294 164.22690988 92.25 169 C78.67005972 209.01454582 75.24881961 254.33338507 83 296 C83.24073242 297.30662598 83.24073242 297.30662598 83.48632812 298.63964844 C85.10188502 307.18309345 87.00410772 315.63083022 89.484375 323.96875 C90 326 90 326 90 329 C89.34 329 88.68 329 88 329 C83.90353261 314.74141176 80.04165244 300.43654346 76.375 286.0625 C72.75315826 271.86249398 72.75315826 271.86249398 68.88232422 257.72875977 C66.84094466 250.50748817 64.92550283 243.2528084 63 236 C60.6672808 227.21805362 58.3143754 218.44347348 55.86108398 209.69433594 C53.73643691 202.09962742 51.69858057 194.48176278 49.65380859 186.86523438 C47.80698021 179.98876695 45.94341896 173.11721334 44.0625 166.25 C41.64723666 157.42732958 39.28754496 148.59021568 36.9375 139.75 C34.62410926 131.04818086 32.28850505 122.35459836 29.85864258 113.68457031 C27.13407467 103.94251813 24.53370033 94.16650033 21.91162109 84.39648438 C20.42216918 78.84713917 18.93035499 73.29843062 17.4375 67.75 C17.14633301 66.66783203 16.85516602 65.58566406 16.55517578 64.47070312 C14.71653563 57.64352838 12.86356116 50.82040991 11 44 C10.51685927 42.22788307 10.03378728 40.4557474 9.55078125 38.68359375 C8.72832052 35.66611374 7.90370558 32.64926042 7.07568359 29.63330078 C6.10906253 26.11075267 5.14793871 22.58673814 4.1875 19.0625 C3.88521484 17.96615234 3.58292969 16.86980469 3.27148438 15.74023438 C1.84747211 10.49713199 0.59191608 5.40411693 0 0 Z " fill="#FBFBFB" transform="translate(860,2227)"/>
<path d="M0 0 C7.4342333 2.19613202 14.82464141 4.5144118 22.203125 6.890625 C23.40245667 7.27655823 24.60178833 7.66249146 25.83746338 8.06011963 C41.11509665 12.98501154 56.35584474 18.02287165 71.59963989 23.05126953 C80.31941501 25.92759024 89.04045888 28.80005982 97.76171875 31.671875 C98.610455 31.95137497 99.45919125 32.23087494 100.33364677 32.5188446 C118.17322981 38.3929054 136.02780935 44.22000533 153.90063477 49.9921875 C156.93879738 50.9800989 159.97055267 51.98571054 163 53 C160.84076385 55.15923615 159.71114948 55.57859532 156.85546875 56.48828125 C155.97060791 56.77550049 155.08574707 57.06271973 154.17407227 57.35864258 C152.69571899 57.830802 152.69571899 57.830802 151.1875 58.3125 C141.2131867 61.56357495 131.30776383 64.97565735 121.41949463 68.47784424 C104.5087094 74.46626871 87.53120616 80.22472615 70.49511719 85.84570312 C65.63916323 87.44942975 60.78809595 89.06765612 55.9375 90.6875 C54.55081176 91.1498311 53.16409739 91.61208384 51.77734375 92.07421875 C50.40255859 92.53248047 50.40255859 92.53248047 49 93 C41.93785282 80.19008492 35.01936499 67.30874144 28.1875 54.375 C22.67832527 43.94656508 17.16182004 33.52244928 11.59512329 23.12457275 C10.65283542 21.3644932 9.71153447 19.6038854 8.77026367 17.84326172 C6.4309714 13.47873813 4.09452896 9.12534161 1.5859375 4.85546875 C0 2 0 2 0 0 Z " fill="#FDFDFD" transform="translate(1904,3321)"/>
<path d="M0 0 C0 3.80810917 -1.48527507 6.29678366 -3.25 9.5625 C-3.6020752 10.21653809 -3.95415039 10.87057617 -4.31689453 11.54443359 C-11.61966097 24.80037284 -20.44429091 37.27861942 -30 49 C-30.67168213 49.82612793 -30.67168213 49.82612793 -31.35693359 50.66894531 C-42.32883011 64.05488788 -54.33650213 76.3564097 -68 87 C-68.78246094 87.6496875 -69.56492187 88.299375 -70.37109375 88.96875 C-98.00053924 111.83449799 -132.85817661 128.80532628 -168 136 C-168.24121582 135.26064209 -168.48243164 134.52128418 -168.73095703 133.75952148 C-173.12074429 120.34280364 -177.52026659 107.01481601 -183 94 C-173.2525463 90.19077126 -163.40448461 86.74527044 -153.48046875 83.42578125 C-152.24958527 83.01335175 -151.01870178 82.60092224 -149.7505188 82.17599487 C-144.62419674 80.45961203 -139.49705689 78.74577779 -134.36547852 77.04516602 C-96.09844365 64.35320875 -58.5107497 49.79993259 -27 24 C-26.47245117 23.56864746 -25.94490234 23.13729492 -25.40136719 22.69287109 C-16.64531951 15.4994654 -8.01657916 8.01657916 0 0 Z " fill="#FCFCFC" transform="translate(3632,2823)"/>
<path d="M0 0 C1.00047363 -0.00022156 2.00094727 -0.00044312 3.03173828 -0.00067139 C15.38718688 0.02850712 27.45957825 0.65334299 39.6875 2.4375 C40.64180908 2.57357666 41.59611816 2.70965332 42.5793457 2.84985352 C44.78874199 3.18226393 46.98743928 3.54875141 49.1875 3.9375 C49.91324219 4.05480469 50.63898437 4.17210937 51.38671875 4.29296875 C53.16746022 4.60367974 54.93085813 5.01113061 56.6875 5.4375 C57.0175 6.0975 57.3475 6.7575 57.6875 7.4375 C57.08091553 7.50219482 56.47433105 7.56688965 55.84936523 7.63354492 C24.293074 11.08126876 -5.64132232 18.53782647 -34.3125 32.4375 C-35.24570068 32.88246826 -35.24570068 32.88246826 -36.19775391 33.33642578 C-54.24637398 41.96837451 -71.79153465 51.75137159 -89.11230469 61.74804688 C-97.95383702 66.83974712 -106.89321097 71.75060564 -115.83911133 76.65576172 C-116.99435303 77.2901416 -118.14959473 77.92452148 -119.33984375 78.578125 C-120.4779248 79.20138672 -121.61600586 79.82464844 -122.78857422 80.46679688 C-125.28516474 81.84813997 -127.74762457 83.27748749 -130.19970703 84.73632812 C-130.83646866 85.11190857 -131.47323029 85.48748901 -132.12928772 85.87445068 C-133.35359511 86.59933872 -134.57298761 87.33261104 -135.78660583 88.07525635 C-137.2522329 88.94008445 -138.7796975 89.69823899 -140.3125 90.4375 C-143.3125 89.4375 -143.3125 89.4375 -144.29223633 87.86206055 C-144.71412231 86.85332886 -144.71412231 86.85332886 -145.14453125 85.82421875 C-145.46558838 85.0760791 -145.78664551 84.32793945 -146.11743164 83.55712891 C-146.4499292 82.75452637 -146.78242676 81.95192383 -147.125 81.125 C-147.82550222 79.47934984 -148.52863981 77.83481905 -149.234375 76.19140625 C-149.58177734 75.38203613 -149.92917969 74.57266602 -150.28710938 73.73876953 C-152.10691503 69.65460569 -154.22928818 65.73987584 -156.37890625 61.8203125 C-157.3125 59.4375 -157.3125 59.4375 -157.234375 57.36328125 C-147.23899577 36.48310346 -103.06939295 20.70401922 -82.96484375 13.36328125 C-73.55108689 10.08295029 -64.04451173 7.57360838 -54.3125 5.4375 C-53.26465332 5.19483398 -52.21680664 4.95216797 -51.13720703 4.70214844 C-34.04204106 0.85021702 -17.46498343 -0.01810728 0 0 Z " fill="#FCFCFC" transform="translate(2503.3125,439.5625)"/>
<path d="M0 0 C32.85421428 3.80373219 68.47803333 28.77734196 92 51 C93.32861796 52.15129758 94.66184718 53.29729878 96 54.4375 C104.54399773 61.91564691 111.96945986 70.10325639 119 79 C119.87257203 80.07123058 120.74631172 81.14151088 121.62109375 82.2109375 C136.22590366 100.21300428 147.99612874 120.32807225 157.25 141.5625 C157.84288818 142.91069824 157.84288818 142.91069824 158.44775391 144.28613281 C158.80015137 145.12112305 159.15254883 145.95611328 159.515625 146.81640625 C159.82790039 147.55318604 160.14017578 148.28996582 160.46191406 149.04907227 C161 151 161 151 160 154 C159.52691406 153.39414063 159.05382813 152.78828125 158.56640625 152.1640625 C154.29372928 146.75033924 149.87475259 141.53628586 145.22265625 136.4453125 C143.08951605 134.09848338 141.01367927 131.70965414 138.9375 129.3125 C135.92929954 125.93342551 132.8110932 122.89625799 129.3515625 119.984375 C127.57141497 118.48219071 125.8211947 116.9444478 124.0859375 115.390625 C100.79020549 94.63809517 73.38448172 80.50479555 46 66 C45.32527649 65.642547 44.65055298 65.28509399 43.9553833 64.91680908 C39.69179504 62.6583224 35.42748218 60.40120688 31.16290283 58.14459229 C29.01001788 57.00530139 26.8572738 55.86574485 24.70458984 54.72607422 C23.99862671 54.35232666 23.29266357 53.9785791 22.56530762 53.59350586 C21.14738058 52.84276696 19.72949303 52.0919535 18.31164551 51.34106445 C14.81319879 49.48845814 11.31396546 47.63737123 7.81298828 45.78955078 C4.50965954 44.04569947 1.20923983 42.29645956 -2.08911133 40.54321289 C-3.30942586 39.89574182 -4.53076273 39.25019348 -5.75317383 38.60668945 C-7.43058142 37.72334027 -9.10406625 36.83255404 -10.77734375 35.94140625 C-11.71827881 35.44326416 -12.65921387 34.94512207 -13.62866211 34.43188477 C-15.78590359 33.12927782 -17.33190189 31.87075451 -19 30 C-18.46632813 29.25878906 -17.93265625 28.51757812 -17.3828125 27.75390625 C-11.04726192 18.79863839 -5.45671254 9.51222333 0 0 Z " fill="#FCFCFC" transform="translate(3560,1445)"/>
<path d="M0 0 C5.92634277 0.41048262 10.74497223 6.33976105 15 10 C15.7734375 10.66 16.546875 11.32 17.34375 12 C29.90659682 23.01400269 41.88895125 34.83118284 51.7734375 48.32910156 C52.98657566 49.98171254 54.22538912 51.61224369 55.46875 53.2421875 C85.80905731 93.63392178 104.63986075 148.25542007 103 199 C100.89515578 195.84273367 99.75297357 192.72689939 98.5 189.1875 C87.00815431 157.94325475 70.02816371 129.91766049 48 105 C47.2884375 104.18917969 46.576875 103.37835937 45.84375 102.54296875 C40.58156183 96.62300706 35.14469952 90.86474212 29.71972656 85.09448242 C25.79146338 80.91592716 21.88273179 76.72087751 18 72.5 C13.56740704 67.68398288 9.10429583 62.89760693 4.625 58.125 C3.9956958 57.4544458 3.3663916 56.7838916 2.71801758 56.09301758 C1.44467475 54.73631565 0.17131862 53.3796262 -1.10205078 52.02294922 C-9.80599254 42.74576098 -18.47795547 33.44493875 -27 24 C-25.75379622 20.26138865 -24.4690186 19.69563118 -21.25 17.5 C-16.62240004 14.2370265 -12.24662578 10.79779783 -7.9375 7.125 C-7.37772461 6.64869141 -6.81794922 6.17238281 -6.24121094 5.68164062 C-4.09520573 3.84296131 -1.99896871 1.99896871 0 0 Z " fill="#FCFCFC" transform="translate(3689,1962)"/>
<path d="M0 0 C1.61091871 11.33869977 3.21966093 22.67770627 4.82590771 34.01706886 C5.57247968 39.28707419 6.3196969 44.55698605 7.06860352 49.82666016 C10.08109772 71.02739284 13.0726205 92.2296876 15.86328125 113.4609375 C15.96708792 114.24960835 16.07089458 115.03827919 16.17784691 115.85084915 C17.19029776 123.55968323 18.18254305 131.26765243 19 139 C1.4911669 126.39364017 -14.96382187 111.22210688 -28 94 C-28.41523926 93.46117188 -28.83047852 92.92234375 -29.25830078 92.3671875 C-44.85331775 72.08172613 -71 36.79263215 -71 10 C-70.43007324 9.96559814 -69.86014648 9.93119629 -69.27294922 9.89575195 C-56.46946875 9.0789127 -43.83881581 7.6700053 -31.1875 5.5625 C-29.94403809 5.35729736 -28.70057617 5.15209473 -27.41943359 4.94067383 C-20.97723641 3.83169994 -14.74005515 2.50330118 -8.4934082 0.56616211 C-5.60559573 -0.08955483 -2.95312502 -0.03674078 0 0 Z " fill="#FDFDFD" transform="translate(1458,2999)"/>
<path d="M0 0 C0.6700708 0.18755859 1.3401416 0.37511719 2.03051758 0.56835938 C23.10007117 6.39989769 44.24515302 9.83433138 66.01049805 11.72753906 C68 12 68 12 70 13 C67.43838138 28.76337224 64.57278511 44.43011399 61.3125 60.0625 C57.95622934 76.1598759 54.78179913 92.28771955 51.6875 108.4375 C51.47485504 109.54642609 51.26221008 110.65535217 51.04312134 111.79788208 C48.66765966 124.19340184 46.31281006 136.59262999 44 149 C43.01 149 42.02 149 41 149 C39.77661133 147.50976562 39.77661133 147.50976562 38.58203125 145.40625 C37.91349121 144.24379761 37.91349121 144.24379761 37.23144531 143.05786133 C36.76319336 142.21376709 36.29494141 141.36967285 35.8125 140.5 C35.32491211 139.63721436 34.83732422 138.77442871 34.33496094 137.88549805 C29.94828075 130.05471226 25.82451553 122.11942602 22 114 C21.69610352 113.36030273 21.39220703 112.72060547 21.07910156 112.06152344 C4.56309045 76.96720314 -1.0573765 38.47223716 0 0 Z " fill="#FDFDFD" transform="translate(1125,2733)"/>
<path d="M0 0 C5.07432927 0.80086109 10.08988359 1.81455568 15.1171875 2.86328125 C16.02194321 3.05119736 16.92669891 3.23911346 17.85887146 3.432724 C20.86457582 4.05775156 23.86982637 4.68492586 26.875 5.3125 C27.91522308 5.52942505 28.95544617 5.7463501 30.02719116 5.96984863 C47.80004586 9.67802275 65.55943008 13.44831815 83.3125 17.25 C85.02188751 17.6156456 85.02188751 17.6156456 86.76580811 17.98867798 C103.52909903 21.57661733 120.27022846 25.25894696 137 29 C135.90330947 34.05879675 134.75972105 39.08379459 133.37890625 44.07421875 C132.93744263 45.68296875 132.93744263 45.68296875 132.48706055 47.32421875 C132.18195557 48.43410156 131.87685059 49.54398438 131.5625 50.6875 C128.00662761 63.81799976 124.94983213 76.57448721 123.64526367 90.13867188 C123.09464742 95.81070515 123.09464742 95.81070515 122 98 C97.40035023 90.22707996 75.0967862 77.02207889 55 61 C54.05511719 60.26652344 53.11023437 59.53304687 52.13671875 58.77734375 C46.43455706 54.25785264 41.07509579 49.38981468 35.75 44.4375 C35.08806641 43.82414795 34.42613281 43.2107959 33.74414062 42.57885742 C29.19058232 38.29305474 25.0433105 33.76693571 21 29 C20.18015625 28.04996094 19.3603125 27.09992187 18.515625 26.12109375 C13.77501524 20.50592322 9.24506966 14.78197688 4.875 8.875 C4.3893457 8.22329834 3.90369141 7.57159668 3.40332031 6.90014648 C0 2.2430686 0 2.2430686 0 0 Z " fill="#FDFDFD" transform="translate(993,2621)"/>
<path d="M0 0 C0.66 0 1.32 0 2 0 C2.42708252 1.12567383 2.85416504 2.25134766 3.29418945 3.41113281 C14.04795041 31.74857797 14.04795041 31.74857797 25.05371094 59.98876953 C29.69057671 71.73051027 34.24628673 83.50306873 38.78909302 95.28144836 C40.26634232 99.10893933 41.75247921 102.93283144 43.24632263 106.75387573 C44.4174918 109.75130739 45.58299876 112.75094362 46.75 115.75 C47.18062744 116.84521973 47.61125488 117.94043945 48.05493164 119.06884766 C48.44414795 120.07222168 48.83336426 121.0755957 49.234375 122.109375 C49.57694336 122.98561523 49.91951172 123.86185547 50.27246094 124.76464844 C51 127 51 127 51 130 C50.40388916 130.15968262 49.80777832 130.31936523 49.19360352 130.48388672 C28.56285338 136.08099646 8.8047192 143.42249365 -10.40234375 152.8203125 C-13 154 -13 154 -15 154 C-24.21482804 118.77452261 -23.18024365 81.32888117 -15 46 C-14.79391113 45.09523926 -14.58782227 44.19047852 -14.37548828 43.25830078 C-10.90256655 28.27304613 -5.93557769 14.18075725 0 0 Z " fill="#FDFDFD" transform="translate(1042,1467)"/>
<path d="M0 0 C3.29483638 1.6294563 4.31591558 4.69768271 5.81787109 7.88598633 C6.16582733 8.59417511 6.51378357 9.30236389 6.87228394 10.03201294 C7.98989965 12.3130414 9.08807644 14.60278636 10.18505859 16.89379883 C11.62021816 19.85194504 13.06281414 22.80644196 14.50537109 25.76098633 C14.87261292 26.51651794 15.23985474 27.27204956 15.6182251 28.05047607 C18.28633732 33.51507073 21.07475164 38.90625853 23.92724609 44.27661133 C29.98571526 55.68714743 35.71209679 67.25897935 41.45556641 78.83032227 C42.84277478 81.6232092 44.23198653 84.41508522 45.62255859 87.20629883 C46.07228027 88.10968994 46.52200195 89.01308105 46.98535156 89.94384766 C50.50240087 96.97731302 54.14261193 103.94106121 57.88842773 110.85546875 C60.02164026 114.83790849 61.78383049 118.65892768 63.06005859 123.01879883 C55.87123001 121.67550642 49.60313284 119.3664348 42.93505859 116.39379883 C41.92024414 115.94504395 40.90542969 115.49628906 39.85986328 115.03393555 C19.38778382 105.87777036 0.2953495 94.40835617 -16.93994141 80.01879883 C-17.51550781 79.54474609 -18.09107422 79.07069336 -18.68408203 78.58227539 C-31.34817674 68.13125567 -42.78216557 56.94514138 -52.93994141 44.01879883 C-53.70822266 43.09454102 -54.47650391 42.1702832 -55.26806641 41.21801758 C-56.00541016 40.32727539 -56.74275391 39.4365332 -57.50244141 38.51879883 C-58.16373047 37.72473633 -58.82501953 36.93067383 -59.50634766 36.11254883 C-60.93994141 34.01879883 -60.93994141 34.01879883 -60.93994141 31.01879883 C-60.42423584 30.80900391 -59.90853027 30.59920898 -59.37719727 30.38305664 C-48.41351593 25.8882243 -37.70521801 21.05080159 -27.18994141 15.58129883 C-25.68161743 14.80157715 -25.68161743 14.80157715 -24.14282227 14.00610352 C-23.21477783 13.51658203 -22.2867334 13.02706055 -21.33056641 12.52270508 C-20.0935498 11.87023804 -20.0935498 11.87023804 -18.83154297 11.20458984 C-16.79058105 10.15366327 -16.79058105 10.15366327 -15.93994141 8.01879883 C-16.59994141 7.35879883 -17.25994141 6.69879883 -17.93994141 6.01879883 C-16.28994141 5.02879883 -14.63994141 4.03879883 -12.93994141 3.01879883 C-12.93994141 4.33879883 -12.93994141 5.65879883 -12.93994141 7.01879883 C-11.81845703 6.24342773 -11.81845703 6.24342773 -10.67431641 5.45239258 C-9.68947266 4.79368164 -8.70462891 4.1349707 -7.68994141 3.45629883 C-6.71541016 2.79500977 -5.74087891 2.1337207 -4.73681641 1.45239258 C-1.93994141 0.01879883 -1.93994141 0.01879883 0 0 Z " fill="#FCFCFC" transform="translate(1785.93994140625,3152.981201171875)"/>
<path d="M0 0 C0.66 0 1.32 0 2 0 C2.52858936 13.54579275 3.05054948 27.09182443 3.56460571 40.63817692 C3.80363403 46.93184242 4.04473963 53.22541243 4.29101562 59.51879883 C6.40959626 113.73086431 6.40959626 113.73086431 6 139 C5.12701263 138.99333817 5.12701263 138.99333817 4.23638916 138.98654175 C-1.93027235 138.94161011 -8.09688596 138.91185075 -14.26367188 138.89013672 C-16.5521026 138.88020096 -18.84052107 138.86664774 -21.12890625 138.84912109 C-35.56121833 138.74151175 -49.67278513 139.20251208 -64 141 C-59.599391 95.02649491 -41.12997573 50.84129366 -12 15 C-10.75476562 13.46666016 -10.75476562 13.46666016 -9.484375 11.90234375 C-7.96570733 10.04320058 -6.44176658 8.18833898 -4.91015625 6.33984375 C-3.67860596 4.8312576 -2.49383634 3.28263136 -1.37109375 1.69140625 C-0.91863281 1.13324219 -0.46617188 0.57507812 0 0 Z " fill="#FDFDFD" transform="translate(1301,1163)"/>
<path d="M0 0 C7.41120527 7.17213413 14.06859675 15.00622426 20.55078125 23.015625 C23.31810802 26.38761487 26.15150415 29.69662321 29 33 C33.31951465 38.01299606 37.55097766 43.08538117 41.72265625 48.22265625 C44.28203972 51.34396267 46.88589916 54.42453424 49.5 57.5 C52.85447127 61.44650481 56.17221829 65.41642072 59.4375 69.4375 C62.89275067 73.68393508 66.42724078 77.85272673 70 82 C76.98090275 90.11198572 83.82570454 98.2486073 90 107 C88.93523437 107.73863281 87.87046875 108.47726562 86.7734375 109.23828125 C73.76947978 118.3059384 61.27570611 127.63249572 49.703125 138.484375 C46.71452699 141.26567141 43.64301879 143.92994195 40.5234375 146.5625 C38.75657708 148.12194583 38.75657708 148.12194583 37 151 C36.34 151 35.68 151 35 151 C18.56244256 120.85379041 6.3544617 90.23940332 1.44262695 56.078125 C1.13068994 53.9088465 0.79927097 51.7423254 0.45385742 49.578125 C-0.93412493 40.35685932 -1.28167197 31.38985492 -1.20581055 22.07958984 C-1.18718958 19.71050572 -1.18530418 17.341807 -1.18554688 14.97265625 C-1.18064253 13.45572578 -1.17481901 11.93879793 -1.16796875 10.421875 C-1.16685593 9.7188324 -1.1657431 9.01578979 -1.16459656 8.29144287 C-1.13487692 5.25380033 -0.96859391 2.90578173 0 0 Z " fill="#FCFCFC" transform="translate(896,1839)"/>
<path d="M0 0 C-2.18152958 9.21485532 -4.82519785 18.25943238 -7.61328125 27.3046875 C-8.06481544 28.77786802 -8.51606149 30.25113689 -8.96704102 31.7244873 C-10.16533235 35.6367859 -11.36725024 39.54796109 -12.56991959 43.45891571 C-13.81397652 47.50662067 -15.05476855 51.55532586 -16.2956543 55.60400391 C-16.79395338 57.22970802 -17.29225965 58.85540992 -17.79057312 60.48110962 C-18.15972619 61.68544584 -18.15972619 61.68544584 -18.5363369 62.91411209 C-19.28035215 65.34082154 -20.02480176 67.76739736 -20.7693634 70.19393921 C-23.70427164 79.7604094 -26.62657541 89.33054775 -29.53125 98.90625 C-30.02844795 100.54474411 -30.02844795 100.54474411 -30.53569031 102.21633911 C-31.75742944 106.24374041 -32.97873628 110.27126834 -34.19692993 114.29974365 C-35.00089985 116.95809297 -35.80690132 119.61581846 -36.61328125 122.2734375 C-36.84450684 123.04071167 -37.07573242 123.80798584 -37.31396484 124.59851074 C-38.88647047 129.77294095 -38.88647047 129.77294095 -40 132 C-46.31363918 129.91541543 -52.60067441 127.76238401 -58.875 125.5625 C-59.75994141 125.25393066 -60.64488281 124.94536133 -61.55664062 124.62744141 C-65.89977096 123.10862412 -70.21148967 121.54275402 -74.5 119.875 C-79.65128137 117.98018153 -84.93310461 116.65130729 -90.25 115.3125 C-91.10271484 115.09770996 -91.95542969 114.88291992 -92.83398438 114.66162109 C-97.54488148 113.50787554 -102.18575686 112.59202179 -107 112 C-106.42340985 108.40688301 -105.48648759 105.67916266 -103.69921875 102.515625 C-102.98439331 101.24887939 -102.98439331 101.24887939 -102.25512695 99.95654297 C-101.73781006 99.06338379 -101.22049316 98.17022461 -100.6875 97.25 C-100.15278076 96.32203613 -99.61806152 95.39407227 -99.06713867 94.43798828 C-88.70110426 76.7209416 -76.13299 60.86075363 -62 46 C-61.46213867 45.43345703 -60.92427734 44.86691406 -60.37011719 44.28320312 C-52.68050207 36.24264659 -44.71102895 28.97326078 -35.78417969 22.33105469 C-33.97128085 20.9785746 -32.17674757 19.60406557 -30.3828125 18.2265625 C-23.72085557 13.16693783 -16.89306601 8.56717884 -9.6875 4.3125 C-8.58378052 3.66075806 -8.58378052 3.66075806 -7.45776367 2.99584961 C-2.26597772 0 -2.26597772 0 0 0 Z " fill="#FDFDFD" transform="translate(1646,961)"/>
<path d="M0 0 C4.35723482 1.58350814 6.82291549 4.97939007 9.6875 8.4375 C10.21786865 9.06712646 10.7482373 9.69675293 11.29467773 10.34545898 C15.14891399 14.93416752 18.94508783 19.57071395 22.72265625 24.22265625 C25.28204299 27.34396667 27.88605424 30.42439842 30.5 33.5 C35.40493039 39.27601065 40.22606194 45.11503635 45 51 C45.77085938 51.93585938 46.54171875 52.87171875 47.3359375 53.8359375 C48.07070312 54.73570313 48.80546875 55.63546875 49.5625 56.5625 C50.22378906 57.36816406 50.88507813 58.17382812 51.56640625 59.00390625 C53 61 53 61 53 63 C51.671875 64.33984375 51.671875 64.33984375 49.75 65.9375 C46.09026257 69.04568126 42.5266429 72.24241826 39 75.5 C35.72195426 78.51980007 32.43417445 81.5220352 29.0625 84.4375 C25.47037864 87.54967195 21.98515676 90.76940777 18.5 94 C16.83827481 95.53527661 15.1757983 97.06973168 13.51269531 98.60351562 C12.17036889 99.84271949 10.83105699 101.08518697 9.4921875 102.328125 C8.79351563 102.96234375 8.09484375 103.5965625 7.375 104.25 C6.78460937 104.79140625 6.19421875 105.3328125 5.5859375 105.890625 C4 107 4 107 1 107 C-0.99976288 105.19576949 -2.84252062 103.38950215 -4.6875 101.4375 C-7.98992809 97.9879126 -11.32007874 94.67591543 -14.9453125 91.5625 C-18.94121003 88.11043693 -22.59218833 84.4264297 -26.1875 80.5625 C-26.82679443 79.87728271 -27.46608887 79.19206543 -28.12475586 78.48608398 C-53.07397504 51.44774901 -53.07397504 51.44774901 -52.96875 45.12109375 C-51.50806035 41.92289021 -49.11771882 39.72090911 -46.625 37.3125 C-46.08335205 36.78140625 -45.5417041 36.2503125 -44.98364258 35.703125 C-39.91637318 30.79907766 -34.5366189 26.3637299 -29 22 C-27.82153125 21.04467525 -26.64452611 20.08754306 -25.46875 19.12890625 C-17.20490712 12.41359166 -8.73740368 6.08521797 0 0 Z " fill="#FDFDFD" transform="translate(992,1955)"/>
<path d="M0 0 C0.6084375 0.38929688 1.216875 0.77859375 1.84375 1.1796875 C3.75289148 2.39816897 5.66466842 3.6125248 7.578125 4.82421875 C9.89118912 6.28965074 12.19065179 7.77403896 14.484375 9.26953125 C29.028251 18.65820166 44.51808445 26.2969159 60 34 C50.14456803 52.14154178 39.99657989 70.10560189 29.55859375 87.91796875 C25.88907865 94.18094527 22.25209189 100.46237643 18.625 106.75 C18.01301758 107.81049561 17.40103516 108.87099121 16.77050781 109.96362305 C13.37680836 115.85224809 9.99910926 121.74971375 6.63671875 127.65625 C6.27421021 128.29258362 5.91170166 128.92891724 5.53820801 129.58453369 C3.78188258 132.66769656 2.02772461 135.75204858 0.27783203 138.83886719 C-0.35396973 139.94907227 -0.98577148 141.05927734 -1.63671875 142.203125 C-2.19061279 143.17926758 -2.74450684 144.15541016 -3.31518555 145.16113281 C-5.11123587 148.18742947 -7.0244328 151.08852434 -9 154 C-18.32720064 137.34714393 -17.5273226 111.72169249 -17.375 93.25 C-17.37034729 92.24119781 -17.36569458 91.23239563 -17.36090088 90.19302368 C-17.20546637 61.42084328 -13.84243787 32.33794801 -2.875 5.4375 C-2.54242187 4.61121094 -2.20984375 3.78492187 -1.8671875 2.93359375 C-1 1 -1 1 0 0 Z " fill="#FDFDFD" transform="translate(967,2387)"/>
<path d="M0 0 C1.14378113 -0.00271912 1.14378113 -0.00271912 2.31066895 -0.00549316 C16.66015034 -0.0016189 30.6804219 1.50685211 44.8125 4 C45.59431641 4.1340625 46.37613281 4.268125 47.18164062 4.40625 C49.0384444 4.72521016 50.894341 5.04944579 52.75 5.375 C50.00446812 8.25747303 47.20503492 10.5919346 43.92578125 12.84375 C42.98839111 13.49102051 42.05100098 14.13829102 41.08520508 14.80517578 C39.58896606 15.82973877 39.58896606 15.82973877 38.0625 16.875 C35.96842039 18.3198349 33.87467258 19.7651508 31.78125 21.2109375 C30.75128906 21.92088867 29.72132813 22.63083984 28.66015625 23.36230469 C24.77567929 26.04885066 20.91569802 28.76886146 17.0625 31.5 C11.84331221 35.19598327 6.61079106 38.87183273 1.36572266 42.53100586 C-5.90645346 47.60511842 -13.14128252 52.72156657 -20.3125 57.9375 C-27.47104417 63.14364132 -34.73331475 68.18244719 -42.05883789 73.15063477 C-42.81028076 73.66037842 -43.56172363 74.17012207 -44.3359375 74.6953125 C-44.9964209 75.14148926 -45.6569043 75.58766602 -46.33740234 76.04736328 C-48.31111285 77.38232381 -48.31111285 77.38232381 -50.30712891 79.04248047 C-52.25 80.375 -52.25 80.375 -55.25 80.375 C-56.4699707 78.85644531 -56.4699707 78.85644531 -57.67578125 76.703125 C-58.36546997 75.50320923 -58.36546997 75.50320923 -59.0690918 74.27905273 C-59.5619165 73.40321533 -60.05474121 72.52737793 -60.5625 71.625 C-70.71964564 54.14515132 -82.36629071 37.84226569 -96.03515625 22.93359375 C-97.25 21.375 -97.25 21.375 -97.25 19.375 C-75.54357518 11.2150346 -75.54357518 11.2150346 -65.25 8.375 C-64.07695312 8.04886719 -62.90390625 7.72273437 -61.6953125 7.38671875 C-41.45411315 2.05236759 -20.86730942 -0.00318212 0 0 Z " fill="#FDFDFD" transform="translate(2375.25,926.625)"/>
<path d="M0 0 C0.23485107 0.70680908 0.46970215 1.41361816 0.71166992 2.1418457 C7.07498566 21.09150414 13.94170805 40.65759433 24.67407227 57.65063477 C26 60 26 60 26 63 C0.40440009 73.98889418 -25.20904976 84.93524943 -50.84130859 95.83837891 C-60.43030268 99.91803913 -70.0189557 103.9978342 -79.5859375 108.12890625 C-80.2697348 108.42381958 -80.9535321 108.71873291 -81.65805054 109.02258301 C-84.64631239 110.31168632 -87.63295038 111.60428753 -90.61669922 112.90380859 C-92.08260498 113.53730225 -92.08260498 113.53730225 -93.578125 114.18359375 C-94.39700195 114.53993896 -95.21587891 114.89628418 -96.05957031 115.26342773 C-98 116 -98 116 -100 116 C-96.25227739 90.59336103 -73.24868011 63.52049353 -56.18359375 45.3359375 C-54.27566872 43.29490142 -52.47702181 41.20642589 -50.6875 39.0625 C-39.63875624 26.41323728 -25.94460696 16.20219416 -12.375 6.4375 C-11.79500244 6.01968262 -11.21500488 5.60186523 -10.61743164 5.17138672 C-3.32871978 0 -3.32871978 0 0 0 Z " fill="#FDFDFD" transform="translate(1013,1658)"/>
<path d="M0 0 C0.0093457 0.58450928 0.01869141 1.16901855 0.02832031 1.77124023 C0.2963144 15.42448816 1.2709815 28.89217934 2.9375 42.4375 C3.02286011 43.13978729 3.10822021 43.84207458 3.19616699 44.56564331 C4.16242091 52.44139605 5.27547394 60.24943771 7 68 C-23.88319722 68.99802074 -55.850343 61.49759226 -84 49 C-84.77923828 48.65485352 -85.55847656 48.30970703 -86.36132812 47.95410156 C-104.37378744 39.87979065 -121.58729146 30.40535077 -137 18 C-133.94508272 16.27894486 -131.3424963 15.59628958 -127.875 15.140625 C-126.26830444 14.92623779 -126.26830444 14.92623779 -124.62915039 14.70751953 C-123.43153076 14.55653809 -122.23391113 14.40555664 -121 14.25 C-119.06338501 13.99839111 -119.06338501 13.99839111 -117.08764648 13.74169922 C-102.98692696 11.92931817 -88.85686729 10.35186639 -74.73144531 8.74639893 C-55.938769 6.61002677 -37.17522011 4.28779195 -18.42211914 1.82861328 C-17.4774025 1.7055481 -16.53268585 1.58248291 -15.55934143 1.45568848 C-13.80304382 1.22665895 -12.04702935 0.99544295 -10.29136658 0.76159668 C-6.81842719 0.30894705 -3.50905682 0 0 0 Z " fill="#FCFCFC" transform="translate(1365,2929)"/>
<path d="M0 0 C4.31299312 2.73304882 7.96109913 5.66444979 11.6875 9.1875 C15.52059079 12.77206121 19.40533956 16.2112351 23.5 19.5 C28.01858176 23.1356405 32.27983329 26.96836402 36.52172852 30.91625977 C39.7329905 33.88715628 43.02627815 36.69961077 46.4375 39.4375 C51.32678026 43.36879356 55.93160999 47.5426934 60.49780273 51.83959961 C62.90298132 54.09692968 65.17364798 56.11307846 67.9453125 57.91796875 C68.62335937 58.60503906 69.30140625 59.29210938 70 60 C69.66070248 65.35981435 68.10699741 70.00957058 66.2265625 74.9765625 C65.94676544 75.73226532 65.66696838 76.48796814 65.37869263 77.26657104 C64.46755335 79.72195682 63.54644255 82.17346435 62.625 84.625 C61.99197706 86.32467028 61.3594949 88.02454205 60.72753906 89.72460938 C56.33078522 101.53238644 51.878826 113.32008457 47.37744141 125.08837891 C46.95897949 126.18327637 46.54051758 127.27817383 46.109375 128.40625 C45.74811523 129.34791016 45.38685547 130.28957031 45.01464844 131.25976562 C43.94328934 134.153157 42.96037745 137.06809403 42 140 C38.55875857 138.85291952 38.05131512 138.0722728 35.99609375 135.203125 C35.42552246 134.41591064 34.85495117 133.62869629 34.26708984 132.81762695 C33.36144287 131.54665161 33.36144287 131.54665161 32.4375 130.25 C31.16904027 128.49792166 29.89950541 126.7466212 28.62890625 124.99609375 C28.00773926 124.13741699 27.38657227 123.27874023 26.74658203 122.39404297 C24.50717181 119.32447955 22.2035765 116.31503848 19.875 113.3125 C15.73627369 107.97002649 11.63881288 102.59889799 7.62963867 97.15820312 C5.02859496 93.6390697 2.36908208 90.218241 -0.46484375 86.8828125 C-1.02510254 86.20065674 -1.58536133 85.51850098 -2.16259766 84.81567383 C-3.22438704 83.52653771 -4.31242593 82.25835887 -5.43115234 81.01831055 C-8.68382592 76.99235371 -9.2985636 74.15674491 -8.94140625 68.98828125 C-8.65302221 66.65557104 -8.33776552 64.32607324 -8 62 C-7.70843101 59.48726874 -7.4194573 56.97423525 -7.1328125 54.4609375 C-6.80326113 51.76482093 -6.46349271 49.07000641 -6.125 46.375 C-5.76480362 43.4755205 -5.40718027 40.57572982 -5.05078125 37.67578125 C-4.96171005 36.95186691 -4.87263885 36.22795258 -4.78086853 35.48210144 C-3.74833915 27.03171177 -2.83434277 18.56837736 -1.95166016 10.10107422 C-1.7841626 8.53703857 -1.7841626 8.53703857 -1.61328125 6.94140625 C-1.51829346 6.03076416 -1.42330566 5.12012207 -1.32543945 4.18188477 C-1 2 -1 2 0 0 Z " fill="#FDFDFD" transform="translate(2870,1807)"/>
<path d="M0 0 C0.02187378 1.00691895 0.02187378 1.00691895 0.04418945 2.03417969 C0.45156936 29.88513526 0.45156936 29.88513526 4.54492188 57.35400391 C5.16194092 60.94158568 5.06168033 64.36086054 5 68 C-28.51292752 70.55129934 -62.02828479 73.05590382 -95.5625 75.3125 C-96.83613403 75.3993103 -98.10976807 75.48612061 -99.42199707 75.57556152 C-103.03239872 75.82097644 -106.64308064 76.0616947 -110.25390625 76.30078125 C-111.30214066 76.37240982 -112.35037506 76.44403839 -113.43037415 76.51783752 C-119.63048585 76.92081203 -125.78714272 77.08606338 -132 77 C-122.71015113 65.93416115 -112.49828502 55.77172692 -101 47 C-100.45827148 46.58186035 -99.91654297 46.1637207 -99.35839844 45.73291016 C-89.36221436 38.04935981 -78.88931913 31.342683 -68 25 C-67.39816895 24.64341309 -66.79633789 24.28682617 -66.17626953 23.91943359 C-47.97343412 13.21894192 -21.57001439 -0.55675162 0 0 Z " fill="#FCFCFC" transform="translate(1211,1334)"/>
<path d="M0 0 C4.19330565 1.5266746 7.93576534 3.60903193 11.75 5.89453125 C12.39623322 6.27815323 13.04246643 6.66177521 13.70828247 7.05702209 C15.80780071 8.30506504 17.90399556 9.55856628 20 10.8125 C21.4568061 11.68060601 22.91367502 12.5486066 24.37060547 13.41650391 C33.17609864 18.67042731 41.92698959 24.0051025 50.62475586 29.43579102 C57.43620896 33.67975197 64.33289513 37.7668052 71.25341797 41.82983398 C81.4568528 47.83211935 91.56143066 53.9953097 101.671875 60.15234375 C107.10080042 63.45808368 112.54409919 66.73899292 118 70 C116.81893275 73.17116387 115.57669454 75.85355955 113.56640625 78.57421875 C113.08800293 79.23212402 112.60959961 79.8900293 112.11669922 80.56787109 C111.60381348 81.26734863 111.09092773 81.96682617 110.5625 82.6875 C100.0054791 97.39590755 91.23202042 112.89309671 83 129 C78.09625282 126.4155927 74.36136406 122.84672923 70.375 119.0625 C69.66496826 118.39009277 68.95493652 117.71768555 68.22338867 117.02490234 C52.02643088 101.55575352 38.61109485 84.1308272 27 65 C26.5762207 64.30358398 26.15244141 63.60716797 25.71582031 62.88964844 C13.9111854 43.22735493 6.1569835 22.01851617 0 0 Z " fill="#FDFDFD" transform="translate(880,2239)"/>
<path d="M0 0 C0.34144043 0.8343457 0.68288086 1.66869141 1.03466797 2.52832031 C9.26375569 22.70760006 9.26375569 22.70760006 18.5 42.4375 C18.88397949 43.20288086 19.26795898 43.96826172 19.66357422 44.75683594 C21.9057961 49.12373203 24.37290939 53.21629925 27.16210938 57.25805664 C28 59 28 59 27 62 C24.58129502 62.99045814 22.31992455 63.74664159 19.8125 64.4375 C19.06363525 64.64995361 18.31477051 64.86240723 17.54321289 65.08129883 C-2.76477669 70.61946502 -23.79013995 73.40534715 -44.8125 73.25 C-45.55257294 73.24723053 -46.29264587 73.24446106 -47.05514526 73.24160767 C-58.47040292 73.19166274 -69.70650553 72.74354747 -81 71 C-81.67595215 70.90348145 -82.3519043 70.80696289 -83.04833984 70.70751953 C-96.87009873 68.70954869 -110.75237428 65.41587524 -124 61 C-124 60.34 -124 59.68 -124 59 C-123.50749756 58.76627686 -123.01499512 58.53255371 -122.50756836 58.29174805 C-109.05021497 51.89726962 -95.64163406 45.40572188 -82.25 38.875 C-81.41900787 38.46977112 -80.58801575 38.06454224 -79.73184204 37.64703369 C-76.33703343 35.99149394 -72.94227626 34.33584877 -69.54759216 32.68005371 C-56.70016991 26.41419937 -43.84484209 20.16466371 -30.98193359 13.93066406 C-28.35124986 12.65561354 -25.72139829 11.37887174 -23.09228516 10.10058594 C-19.54286944 8.37504425 -15.99040936 6.65583786 -12.4375 4.9375 C-11.39609863 4.43033447 -10.35469727 3.92316895 -9.28173828 3.40063477 C-8.34185059 2.94744873 -7.40196289 2.4942627 -6.43359375 2.02734375 C-5.61947021 1.63281006 -4.80534668 1.23827637 -3.96655273 0.83178711 C-2 0 -2 0 0 0 Z " fill="#FCFCFC" transform="translate(1677,3117)"/>
<path d="M0 0 C10.13487723 3.74956655 20.18996922 7.64510186 30.1875 11.75 C32.94058916 12.87570508 35.69472503 13.99883029 38.44921875 15.12109375 C39.18256439 15.41992966 39.91591003 15.71876556 40.67147827 16.0266571 C51.2621032 20.3354831 61.88257218 24.5702709 72.5 28.8125 C74.03157242 29.42454285 74.03157242 29.42454285 75.59408569 30.0489502 C81.39558828 32.36714205 87.19757671 34.68411367 93 37 C90.85485198 47.9381209 88.66236419 58.84676263 86.0625 69.6875 C85.46455052 72.21448048 84.86790653 74.7417327 84.2734375 77.26953125 C84.10706284 77.97650146 83.94068817 78.68347168 83.76927185 79.41186523 C80.54180032 93.17316518 77.43956012 106.96385767 74.30764771 120.74716187 C73.73942962 123.2477188 73.17089618 125.74820409 72.60202026 128.24861145 C72.0771981 130.55539602 71.55308685 132.86234248 71.02981567 135.16947937 C69.74913756 140.79702604 68.42577326 146.40739279 67 152 C63.9649682 148.41758165 62.24043919 144.35253717 60.40234375 140.08203125 C60.05632111 139.28984695 59.71029846 138.49766266 59.35379028 137.68147278 C58.21022603 135.06054465 57.07396253 132.43651434 55.9375 129.8125 C55.13068738 127.96053049 54.32330486 126.10880916 53.51538086 124.25732422 C51.83710352 120.40999295 50.16128686 116.56160432 48.48730469 112.71240234 C45.06409856 104.84507175 41.61538629 96.98896971 38.16455078 89.13372803 C37.0572001 86.61293521 35.95043458 84.09188609 34.84375 81.57080078 C29.62972596 69.69559849 24.40182744 57.82653874 19.16281128 45.96234131 C18.36452172 44.15453386 17.56643614 42.34663633 16.76858521 40.53863525 C15.64727733 37.99807103 14.52494234 35.45796288 13.40234375 32.91796875 C13.04465408 32.10732971 12.68696442 31.29669067 12.31843567 30.46148682 C10.38722872 26.09494903 8.43027421 21.74170779 6.44189453 17.40087891 C5.81463219 16.02625237 5.81463219 16.02625237 5.17469788 14.62385559 C4.36969307 12.86274511 3.56003324 11.1037529 2.74510193 9.34721375 C2.38521683 8.55885635 2.02533173 7.77049896 1.65454102 6.95825195 C1.33437515 6.26456009 1.01420929 5.57086823 0.68434143 4.8561554 C0 3 0 3 0 0 Z " fill="#FDFDFD" transform="translate(3289,1791)"/>
<path d="M0 0 C1.90688599 -0.00785522 1.90688599 -0.00785522 3.85229492 -0.01586914 C11.60497306 0.04183803 18.96232071 0.77841413 26.5625 2.3125 C25.05617554 7.36832715 23.53320049 12.41712654 21.94921875 17.44921875 C16.87727194 33.86673867 13.57589643 50.42007891 10.5625 67.3125 C3.99157295 66.65151917 -2.23176174 65.25845997 -8.625 63.625 C-9.67945313 63.35880859 -10.73390625 63.09261719 -11.8203125 62.81835938 C-19.42479911 60.87843932 -26.96820795 58.7641448 -34.50073242 56.5637207 C-41.10867465 54.64933993 -47.75620939 52.95082413 -54.4375 51.3125 C-61.98613873 49.4614928 -69.47718455 47.49262837 -76.9375 45.3125 C-85.57533458 42.78878034 -94.26538526 40.54446605 -103.00585938 38.40429688 C-109.51310709 36.80986487 -115.98218082 35.10581877 -122.4375 33.3125 C-122.4375 32.6525 -122.4375 31.9925 -122.4375 31.3125 C-90.23725223 15.29617103 -90.23725223 15.29617103 -76.4375 11.3125 C-75.66229004 11.08771973 -74.88708008 10.86293945 -74.08837891 10.63134766 C-65.33550906 8.13620129 -56.6155686 5.93775506 -47.58984375 4.671875 C-45.39520493 4.41377103 -45.39520493 4.41377103 -43.4375 3.3125 C-29.09788732 0.79314376 -14.53241739 0.01084657 0 0 Z " fill="#FCFCFC" transform="translate(1477.4375,1089.6875)"/>
<path d="M0 0 C2.39989119 3.05547563 4.35084542 6.22283184 6.265625 9.6015625 C6.90081055 10.71845459 7.53599609 11.83534668 8.19042969 12.98608398 C8.52570679 13.5784787 8.86098389 14.17087341 9.2064209 14.78121948 C10.99680768 17.94444905 12.79605633 21.10263806 14.59375 24.26171875 C15.14539825 25.23205803 15.14539825 25.23205803 15.70819092 26.22200012 C19.36065405 32.64347772 23.05223787 39.04199643 26.75 45.4375 C33.20256922 56.60458986 39.61381165 67.79483038 46 79 C42.97105838 83.72137183 39.62701531 88.04765484 36.0625 92.375 C34.89970894 93.79684994 33.73694942 95.21872567 32.57421875 96.640625 C31.68549072 97.7244043 31.68549072 97.7244043 30.77880859 98.83007812 C23.47570751 107.73893929 16.21275246 116.67547467 9.11743164 125.75097656 C3.80213933 132.54626664 -1.60037367 139.27166981 -7 146 C-8.68152459 143.47771311 -9.53230441 141.77394901 -10.46118164 138.97290039 C-10.73257462 138.16163696 -11.00396759 137.35037354 -11.28358459 136.51452637 C-11.57285324 135.63445923 -11.86212189 134.75439209 -12.16015625 133.84765625 C-12.46638412 132.92786987 -12.772612 132.0080835 -13.08811951 131.0604248 C-14.08455333 128.06273911 -15.07407444 125.06283504 -16.0625 122.0625 C-16.74079893 120.00965567 -17.41918458 117.95683998 -18.09765625 115.90405273 C-19.44437667 111.82627732 -20.78766531 107.74738877 -22.12939453 103.66796875 C-23.51517475 99.4598053 -24.91708859 95.2574923 -26.33360291 91.05958557 C-26.9998719 89.08155872 -27.66034305 87.10171632 -28.31811523 85.12084961 C-29.08527532 82.81112885 -29.86160644 80.50442648 -30.64868164 78.20141602 C-30.9811792 77.18748779 -31.31367676 76.17355957 -31.65625 75.12890625 C-32.08647461 73.84608765 -32.08647461 73.84608765 -32.52539062 72.53735352 C-33.82689527 65.57925795 -30.2281312 59.94609205 -27.15234375 53.94921875 C-26.66222305 52.97700882 -26.17210236 52.00479889 -25.66712952 51.00312805 C-24.09812115 47.89403951 -22.51835132 44.79058111 -20.9375 41.6875 C-18.88063407 37.63066223 -16.82836663 33.57151319 -14.77734375 29.51171875 C-14.28019867 28.52992645 -13.78305359 27.54813416 -13.27084351 26.53659058 C-9.83217802 19.72238899 -6.51510589 12.8605908 -3.32469177 5.92668152 C-1.09475636 1.09475636 -1.09475636 1.09475636 0 0 Z " fill="#FDFDFD" transform="translate(2919,2079)"/>
<path d="M0 0 C0.91689606 -0.00322266 1.83379211 -0.00644531 2.7784729 -0.00976562 C18.19592383 -0.04277833 33.19398237 1.00057143 48.3125 4.1875 C49.57356567 4.44901855 49.57356567 4.44901855 50.86010742 4.71582031 C62.49386462 7.17342246 73.69929453 10.38908766 84.9375 14.25 C85.88407471 14.57387695 86.83064941 14.89775391 87.8059082 15.23144531 C94.44798467 17.561349 100.82554113 20.30377856 107.1875 23.3125 C105.68161411 27.30691209 104.00289362 29.95985231 101.1875 33.1875 C89.27169454 47.43299819 79.86370863 63.94678882 71.1875 80.3125 C66.18198496 78.64193103 62.10675132 75.77251631 57.765625 72.8515625 C56.94737244 72.30575531 56.12911987 71.75994812 55.28607178 71.19760132 C53.54976802 70.03805277 51.81495925 68.87626297 50.08154297 67.71240234 C47.4913746 65.97366513 44.89655675 64.24207053 42.30078125 62.51171875 C34.40315176 57.23498923 26.55705489 51.90242579 18.82421875 46.38671875 C8.65426289 39.14173249 -1.80352302 32.33703968 -12.25 25.5 C-15.17216295 23.58526212 -18.09373363 21.6696357 -21.01417542 19.75227356 C-22.8107417 18.57297619 -24.60829908 17.39518655 -26.40708923 16.21928406 C-39.14120007 7.86644018 -39.14120007 7.86644018 -43.8125 4.3125 C-43.8125 3.9825 -43.8125 3.6525 -43.8125 3.3125 C-29.21860474 0.41099183 -14.82875019 0.00254143 0 0 Z " fill="#FDFDFD" transform="translate(1752.8125,934.6875)"/>
<path d="M0 0 C7.80525574 2.41570485 15.26798106 5.5471016 22.78427124 8.72479248 C39.27580179 15.69359243 55.86681208 22.39556229 72.51391602 28.9831543 C73.75732254 29.47674187 73.75732254 29.47674187 75.02584839 29.9803009 C76.58550181 30.59929737 78.14603062 31.21609408 79.70755005 31.83036804 C84.88756476 33.88756476 84.88756476 33.88756476 86 35 C86.1019773 36.66934914 86.13083959 38.34316513 86.1328125 40.015625 C86.13474609 41.14025146 86.13667969 42.26487793 86.13867188 43.42358398 C86.13416016 44.68630127 86.12964844 45.94901855 86.125 47.25 C86.12306641 48.56492432 86.12113281 49.87984863 86.11914062 51.23461914 C86.04746338 73.82505765 85.4754154 96.41528443 85 119 C80.11653559 116.340945 75.31063418 113.6753477 70.73046875 110.51171875 C69.82103516 109.88716797 68.91160156 109.26261719 67.97460938 108.61914062 C66.59499023 107.66297852 66.59499023 107.66297852 65.1875 106.6875 C63.34811641 105.41990492 61.50827005 104.15298111 59.66796875 102.88671875 C58.74024658 102.24822998 57.81252441 101.60974121 56.85668945 100.9519043 C50.86540221 96.8582079 44.8110117 92.85841341 38.75805664 88.85668945 C35.47821262 86.68463469 32.20734866 84.49956554 28.9375 82.3125 C28.38006104 81.94568115 27.82262207 81.5788623 27.24829102 81.20092773 C25.60568305 80.11895471 23.97261753 79.02253844 22.33984375 77.92578125 C20.90692993 76.97312378 20.90692993 76.97312378 19.44506836 76.0012207 C13.69683527 71.2964512 12.99803876 65.35469328 11.66015625 58.390625 C11.45192734 57.35041199 11.24369843 56.31019897 11.02915955 55.23846436 C10.36457894 51.91069471 9.71293603 48.58056046 9.0625 45.25 C8.2035185 40.90018193 7.33898466 36.55148517 6.47265625 32.203125 C6.26444244 31.15225708 6.05622864 30.10138916 5.84170532 29.01867676 C4.43508931 21.98097627 2.89701527 14.9876042 1.16456604 8.02276611 C0.48297534 5.2547618 0 2.86613634 0 0 Z " fill="#FDFDFD" transform="translate(2735,1566)"/>
<path d="M0 0 C7.20880991 3.77958388 13.86982321 8.19175496 20.5625 12.8125 C22.77795207 14.33175669 24.9939535 15.85017119 27.2109375 17.3671875 C27.7725206 17.7519072 28.3341037 18.13662689 28.91270447 18.53300476 C34.79898883 22.55935803 40.74246721 26.49856716 46.6875 30.4375 C55.25318281 36.12132278 63.70647046 41.92586569 72 48 C69.9107283 50.0892717 68.48387607 50.78420832 65.79174805 51.92016602 C64.48218391 52.47698814 64.48218391 52.47698814 63.14616394 53.0450592 C62.19429703 53.44397873 61.24243011 53.84289825 60.26171875 54.25390625 C59.27113968 54.67365219 58.28056061 55.09339813 57.25996399 55.52586365 C54.07105495 56.87598462 50.87937291 58.21940305 47.6875 59.5625 C44.57633294 60.87694444 41.4657465 62.19274952 38.35549927 63.5093689 C36.2920749 64.38110906 34.22735159 65.24978097 32.16134644 66.11538696 C27.09309997 68.24286651 22.05406775 70.4129456 17.05322266 72.69482422 C16.10929153 73.11916245 15.16536041 73.54350067 14.19282532 73.98069763 C12.42604544 74.77771103 10.66580073 75.58944875 8.91398621 76.4188385 C1.78154348 79.61037138 -2.94616876 79.18962437 -10.18334961 76.57641602 C-11.6769363 75.9786201 -13.16646295 75.37060668 -14.65234375 74.75390625 C-15.46227783 74.42689224 -16.27221191 74.09987823 -17.10668945 73.76295471 C-19.7207388 72.70518074 -22.32912394 71.63417809 -24.9375 70.5625 C-26.7341044 69.83165367 -28.53106292 69.1016773 -30.32836914 68.37255859 C-33.01873504 67.2806335 -35.70866143 66.18771059 -38.3969574 65.09069824 C-43.63638407 62.95290964 -48.88657039 60.84719736 -54.15625 58.78515625 C-55.32164307 58.3274585 -56.48703613 57.86976074 -57.68774414 57.39819336 C-59.80756922 56.56768568 -61.92908234 55.74147003 -64.05249023 54.92016602 C-64.97231689 54.55721436 -65.89214355 54.1942627 -66.83984375 53.8203125 C-67.62738037 53.51367676 -68.41491699 53.20704102 -69.22631836 52.89111328 C-71 52 -71 52 -72 50 C-71.07703125 49.36835937 -70.1540625 48.73671875 -69.203125 48.0859375 C-58.08328734 40.46458967 -47.03568979 32.74251307 -36 25 C-24.03931118 16.60851825 -12.05763736 8.25173507 0 0 Z " fill="#FDFDFD" transform="translate(2072,1201)"/>
<path d="M0 0 C3.006818 1.33999498 4.99762609 2.79845291 7.25 5.1875 C9.54683252 7.61509278 11.94464003 9.82215259 14.484375 11.98828125 C20.8467491 17.51168516 26.66663526 23.61046202 32.58203125 29.60253906 C39.57954703 36.74256639 39.57954703 36.74256639 46.96875 43.46875 C53.40376031 48.95978152 59.2140623 55.16094652 65.15478516 61.17529297 C70.68446054 66.76730228 76.19564199 72.31089496 82.18554688 77.41699219 C85.43639086 80.25316985 88.46052547 83.31595804 91.5 86.375 C92.13164062 87.00277344 92.76328125 87.63054688 93.4140625 88.27734375 C94.30738281 89.17259766 94.30738281 89.17259766 95.21875 90.0859375 C95.75435547 90.6226709 96.28996094 91.1594043 96.84179688 91.71240234 C98 93 98 93 98 94 C50.84241246 95.08685861 2.24464581 81.38748054 -37 55 C-38.56006428 54.05845237 -40.12237342 53.1206084 -41.6875 52.1875 C-42.780625 51.465625 -43.87375 50.74375 -45 50 C-45 48 -45 48 -43.6015625 46.58984375 C-42.94929688 46.04457031 -42.29703125 45.49929687 -41.625 44.9375 C-40.89667969 44.31617187 -40.16835937 43.69484375 -39.41796875 43.0546875 C-38.62003906 42.37664063 -37.82210937 41.69859375 -37 41 C-31.59718703 36.31140025 -26.44420909 31.62081735 -21.83203125 26.14453125 C-19.68630903 23.63280098 -17.43785871 21.23084816 -15.1875 18.8125 C-9.72535139 12.83853716 -4.84230336 6.48044428 0 0 Z " fill="#FDFDFD" transform="translate(2148,3190)"/>
<path d="M0 0 C2.34954069 15.99765287 4.68360413 31.99751318 7 48 C7.13913818 48.960271 7.27827637 49.92054199 7.42163086 50.90991211 C8.15978843 56.00954182 8.89173243 61.10998128 9.61294556 66.21203613 C9.82746109 67.72427484 10.04387872 69.23624508 10.26229858 70.7479248 C10.56434429 72.84164736 10.85926892 74.93625548 11.15234375 77.03125 C11.31726318 78.19205078 11.48218262 79.35285156 11.65209961 80.54882812 C12.04091682 84.40589484 12.05758653 88.12551466 12 92 C4.18547003 92.25572238 -3.62806773 92.45073343 -11.44573975 92.56993389 C-15.07682807 92.62717234 -18.70504023 92.70467407 -22.33447266 92.82983398 C-25.84255794 92.95004154 -29.34789299 93.01525501 -32.85787964 93.04364967 C-34.83724918 93.07364664 -36.8155216 93.15942414 -38.79321289 93.2462616 C-47.64733162 93.25228814 -47.64733162 93.25228814 -51.53302002 89.654953 C-53.59129013 86.85326184 -55.31413808 84.03725418 -57 81 C-58.12634217 79.31199635 -59.26476265 77.63190524 -60.421875 75.96484375 C-61.53397038 74.29086658 -62.64329638 72.61504666 -63.75 70.9375 C-67.33329274 65.51532857 -70.91843473 60.09850038 -74.60546875 54.74609375 C-75.16717773 53.92439697 -75.72888672 53.1027002 -76.30761719 52.25610352 C-77.37439795 50.69763844 -78.44899264 49.1444864 -79.53222656 47.59741211 C-80.00499023 46.90268799 -80.47775391 46.20796387 -80.96484375 45.4921875 C-81.3837085 44.88745605 -81.80257324 44.28272461 -82.23413086 43.65966797 C-83 42 -83 42 -82 39 C-80.2421875 37.87524414 -80.2421875 37.87524414 -77.875 36.78515625 C-76.96081299 36.35614014 -76.04662598 35.92712402 -75.10473633 35.48510742 C-74.08017334 35.01564697 -73.05561035 34.54618652 -72 34.0625 C-69.7321937 32.99926913 -67.4653379 31.93400955 -65.19921875 30.8671875 C-64.57472336 30.57444443 -63.95022797 30.28170135 -63.30680847 29.98008728 C-55.00397649 26.0803099 -46.76839015 22.04161498 -38.52709961 18.0138855 C-35.86711795 16.71418697 -33.20613677 15.41655596 -30.54492188 14.11938477 C-28.84889354 13.29196222 -27.15292871 12.4644095 -25.45703125 11.63671875 C-24.23658615 11.04139091 -24.23658615 11.04139091 -22.9914856 10.43403625 C-19.22254269 8.59158819 -15.46192731 6.73558984 -11.72021484 4.83837891 C-11.06800461 4.50820267 -10.41579437 4.17802643 -9.74382019 3.83784485 C-8.01432337 2.95934794 -6.28768359 2.07523264 -4.5612793 1.19067383 C-2 0 -2 0 0 0 Z " fill="#FDFDFD" transform="translate(1487,3209)"/>
<path d="M0 0 C4.01839271 1.86031714 6.89210598 4.52733605 10.0625 7.5625 C14.09937297 11.36351073 18.16752927 15.03275103 22.5 18.5 C26.6666621 21.84301959 30.60419812 25.35115137 34.5 29 C39.26088994 33.45874444 44.1646782 37.6379783 49.25390625 41.72265625 C52.78679811 44.65249402 56.13558588 47.76451299 59.4934082 50.89013672 C64.47337309 55.49744007 69.69491867 59.77055524 75 64 C74.33960965 68.01162497 72.28256449 71.15863904 70.1875 74.5625 C69.78861572 75.21887451 69.38973145 75.87524902 68.97875977 76.55151367 C65.3655816 82.46882765 61.65345095 88.32370164 57.9362793 94.17602539 C53.55987815 101.07819228 49.27334984 108.03366022 45 115 C39.76664836 123.53131785 34.48320682 132.02601268 29.11010742 140.4699707 C25.52088703 146.12690092 22.05206082 151.84873398 18.67602539 157.63549805 C17.80993293 159.10590781 16.90891455 160.55566785 16 162 C15.67 162 15.34 162 15 162 C12.99441046 147.83013639 11.85023797 133.57824366 10.62704468 119.32479858 C9.97972413 111.78351755 9.32108859 104.24322382 8.66015625 96.703125 C8.59263971 95.93225744 8.52512318 95.16138988 8.45556068 94.3671627 C7.45158 82.92268872 6.4016874 71.48317601 5.30859375 60.046875 C5.23997509 59.32888292 5.17135643 58.61089085 5.10065842 57.87114143 C4.37972374 50.33716162 3.65049478 42.80400575 2.91699219 35.27124023 C1.7774372 23.52243305 0.63962268 11.78840939 0 0 Z " fill="#FCFCFC" transform="translate(3320,2201)"/>
<path d="M0 0 C4.96580661 0.77519895 9.71689299 2.05163145 14.51171875 3.53515625 C23.58329117 6.23885367 32.71335058 8.64598277 41.88671875 10.97265625 C53.79755727 14.00105338 65.59782685 17.291601 77.32421875 20.97265625 C71.15103586 28.35402285 71.15103586 28.35402285 67.69921875 31.22265625 C64.21224441 34.19057716 60.81580824 37.24454825 57.44921875 40.34765625 C51.31041284 45.99543472 45.1125481 51.57538025 38.90234375 57.14453125 C38.0928125 57.8715625 37.28328125 58.59859375 36.44921875 59.34765625 C35.61132812 60.0746875 34.7734375 60.80171875 33.91015625 61.55078125 C31.21961103 63.96860337 31.21961103 63.96860337 28.80078125 67.01953125 C25.58416766 70.79120321 22.31180725 74.36383493 17.28515625 75.38818359 C11.86660249 75.70051631 6.49975686 74.94922312 1.12304688 74.33837891 C-6.06880614 73.64600128 -13.29080903 73.41224424 -20.50720215 73.09262085 C-24.78287734 72.90041007 -29.05753355 72.68934375 -33.33203125 72.47265625 C-34.53203766 72.41183113 -34.53203766 72.41183113 -35.75628662 72.34977722 C-42.73696264 71.9866594 -49.70629147 71.51097346 -56.67578125 70.97265625 C-52.55620945 64.63594395 -48.18609681 58.55094651 -43.61328125 52.53515625 C-38.70992985 46.04224691 -33.86009506 39.5184369 -29.11328125 32.91015625 C-24.48289471 26.46644132 -19.81750823 20.05021304 -15.11328125 13.66015625 C-14.52925537 12.86536865 -13.94522949 12.07058105 -13.34350586 11.25170898 C-12.26322678 9.78646117 -11.17264607 8.3287281 -10.06982422 6.88037109 C-8.51954227 4.83293911 -8.51954227 4.83293911 -6.8984375 1.8671875 C-4.19393175 -0.43805906 -3.44791055 -0.26266628 0 0 Z " fill="#FDFDFD" transform="translate(1789.67578125,1253.02734375)"/>
<path d="M0 0 C0.99 0.495 0.99 0.495 2 1 C-44.17407537 44.9541679 -106.8009008 67.10997345 -169.875 67.1875 C-170.62337128 67.18867828 -171.37174255 67.18985657 -172.14279175 67.19107056 C-174.30102606 67.19068491 -176.45899814 67.18139986 -178.6171875 67.16796875 C-179.87128418 67.16047607 -181.12538086 67.1529834 -182.41748047 67.14526367 C-186 67 -186 67 -193 66 C-193 52.47 -193 38.94 -193 25 C-183.07486328 24.94392578 -183.07486328 24.94392578 -172.94921875 24.88671875 C-168.6972421 24.85635787 -164.44530329 24.82515743 -160.19335938 24.79101562 C-153.4797586 24.73718484 -146.7662326 24.68606451 -140.05249023 24.65356445 C-104.9102542 24.61476609 -104.9102542 24.61476609 -70 21 C-69.25753021 20.88703583 -68.51506042 20.77407166 -67.75009155 20.65768433 C-63.63664329 20.02101202 -59.56878028 19.25055637 -55.5 18.375 C-54.31913818 18.12556641 -53.13827637 17.87613281 -51.92163086 17.61914062 C-34.89972674 13.84729923 -18.08980882 8.34575248 -2.30859375 0.8984375 C-1.54675781 0.60195312 -0.78492187 0.30546875 0 0 Z " fill="#FCFCFC" transform="translate(3298,3292)"/>
<path d="M0 0 C2 0 2 0 4.1875 2.046875 C5.12856673 3.02784075 6.06571431 4.01257373 7 5 C7.52851563 5.54076172 8.05703125 6.08152344 8.6015625 6.63867188 C31.04769717 29.62289881 48.91614209 56.0681248 62.3125 85.25 C62.70904785 86.11206055 63.1055957 86.97412109 63.51416016 87.86230469 C68.94586915 99.97691078 72.92830702 112.43873395 76.125 125.3125 C76.29708984 126.00187653 76.46917969 126.69125305 76.64648438 127.40151978 C81.61897961 147.51418853 83.5880239 167.28849168 83 188 C79.71954476 188.69967497 76.50426705 189.2019694 73.1640625 189.5 C72.26429688 189.5825 71.36453125 189.665 70.4375 189.75 C69.509375 189.8325 68.58125 189.915 67.625 190 C60.4629456 190.63118525 60.4629456 190.63118525 53.3359375 191.5625 C49.49917804 192.06568157 45.86660481 192.06783517 42 192 C40.09913672 175.77696412 38.61027083 159.54705103 37.31417847 143.26577759 C33.21118476 92.06318228 24.02651297 45.83897867 0 0 Z " fill="#FCFCFC" transform="translate(3172,769)"/>
<path d="M0 0 C3.1287176 2.92942989 4.8061627 6.24793444 6.66015625 10.0625 C7.00612854 10.76142365 7.35210083 11.46034729 7.70855713 12.18045044 C8.44812673 13.67569782 9.18505734 15.17225286 9.91958618 16.66998291 C11.83513382 20.57514064 13.76990844 24.47075466 15.703125 28.3671875 C16.08096634 29.1298996 16.45880768 29.89261169 16.84809875 30.67843628 C19.59006622 36.20380032 22.40555807 41.6844002 25.3125 47.125 C29.18155493 54.38857943 32.92720081 61.7102204 36.625 69.0625 C37.15907471 70.11775879 37.69314941 71.17301758 38.2434082 72.26025391 C38.73284912 73.23784668 39.22229004 74.21543945 39.7265625 75.22265625 C40.16564941 76.09672119 40.60473633 76.97078613 41.05712891 77.87133789 C42 80 42 80 42 82 C31.00823001 86.19180099 19.95761511 90.18348588 8.83227539 94.00683594 C6.2743597 94.88814087 3.72028158 95.78005561 1.16601562 96.671875 C-0.47633738 97.23763309 -2.11890746 97.80276154 -3.76171875 98.3671875 C-4.51692307 98.6327243 -5.27212738 98.89826111 -6.05021667 99.17184448 C-13.10677683 101.57030389 -13.10677683 101.57030389 -17 101 C-18.91845703 99.93701172 -18.91845703 99.93701172 -20.7578125 98.4296875 C-21.45648437 97.86975098 -22.15515625 97.30981445 -22.875 96.73291016 C-23.6175 96.1197998 -24.36 95.50668945 -25.125 94.875 C-26.72991868 93.58623176 -28.33675351 92.29984676 -29.9453125 91.015625 C-30.77450195 90.35111328 -31.60369141 89.68660156 -32.45800781 89.00195312 C-36.56125825 85.77042665 -40.77829692 82.69914947 -45 79.625 C-51.46479314 74.90024987 -57.82989699 70.10738604 -64 65 C-60.17599988 60.43035108 -56.22181138 56.07910256 -51.99462891 51.88110352 C-51.14475403 51.0310096 -51.14475403 51.0310096 -50.27770996 50.16374207 C-48.42969132 48.31641253 -46.57817097 46.47263699 -44.7265625 44.62890625 C-43.43454448 43.33875597 -42.14274904 42.04838276 -40.85116577 40.75779724 C-37.47012957 37.38055811 -34.08609986 34.00633438 -30.70141602 30.63275146 C-27.24052041 27.18213071 -23.78249457 23.72863662 -20.32421875 20.27539062 C-13.55226856 13.51412814 -6.77714917 6.75605101 0 0 Z " fill="#FCFCFC" transform="translate(1882,3342)"/>
<path d="M0 0 C3.95607234 3.23454369 7.21470756 6.25346268 10.375 10.3125 C13.73798487 14.52187368 17.2348053 18.3570743 21.1015625 22.1015625 C23.01169571 24.01169571 24.75485281 26.00148906 26.5 28.0625 C30.00564983 32.13127457 33.90376017 35.54145319 38 39 C39.67274051 40.43042763 41.33943064 41.86796082 43 43.3125 C43.763125 43.96863281 44.52625 44.62476562 45.3125 45.30078125 C47 47 47 47 47 49 C27.86398059 63.57468333 4.74538091 74.45240547 -18 82 C-18.8357959 82.27779297 -19.6715918 82.55558594 -20.53271484 82.84179688 C-44.74026282 90.74820063 -68.64129639 94.00348424 -94 95 C-89.34908041 89.4143535 -84.39011637 84.25348647 -79.24072266 79.12719727 C-78.38153229 78.26786087 -77.52234192 77.40852448 -76.63711548 76.52314758 C-74.30050229 74.18710822 -71.96170553 71.85329759 -69.62187624 69.5204823 C-67.16972672 67.07461985 -64.72044313 64.62589074 -62.27084351 62.17747498 C-57.64064138 57.55037047 -53.00789799 52.92581915 -48.37421739 48.30219835 C-43.09528586 43.03447689 -37.81922216 37.763887 -32.54338765 32.49306405 C-21.69876118 21.6588664 -10.85057065 10.82824468 0 0 Z " fill="#FDFDFD" transform="translate(2030,3195)"/>
<path d="M0 0 C1.96484375 1.73828125 1.96484375 1.73828125 3.9375 4.3125 C5.10925781 5.82650391 5.10925781 5.82650391 6.3046875 7.37109375 C7.20588644 8.57867325 8.10412356 9.7884666 9 11 C9.75265137 12.01344482 9.75265137 12.01344482 10.52050781 13.04736328 C12.80514134 16.12975042 15.08183514 19.21773619 17.34667969 22.31469727 C21.88515604 28.51853088 26.51484764 34.64673992 31.1875 40.75 C36.00477498 47.0495581 40.79880063 53.36317066 45.5 59.75 C46.19452271 60.68924316 46.19452271 60.68924316 46.90307617 61.64746094 C50 65.87805316 50 65.87805316 50 67 C37.66808757 68.01780091 25.33493636 69.01949193 13 70 C11.91543518 70.08631683 11.91543518 70.08631683 10.80895996 70.17437744 C3.14868178 70.78194481 -4.51152242 71.34439361 -12.18164062 71.8125 C-14.69475306 71.97969251 -17.19591913 72.20018341 -19.703125 72.4375 C-28.40431779 72.99215771 -28.40431779 72.99215771 -32.7265625 70.3046875 C-35.32163625 67.99884797 -37.63504771 65.53941599 -40 63 C-41.76780963 61.51283671 -43.56028005 60.05454435 -45.375 58.625 C-49.92780507 54.94428153 -54.23417411 51.07351352 -58.5168457 47.08862305 C-62.61400002 43.29873875 -66.89366591 39.78035192 -71.2421875 36.28125 C-75.98349533 32.35926166 -80.48701397 28.18127719 -85 24 C-82.18405345 22.51069322 -79.43008787 21.41928025 -76.38671875 20.484375 C-75.48050781 20.2059375 -74.57429688 19.9275 -73.640625 19.640625 C-72.17882813 19.19976563 -72.17882813 19.19976563 -70.6875 18.75 C-69.15802734 18.2859375 -69.15802734 18.2859375 -67.59765625 17.8125 C-59.66742188 15.43537815 -51.68735233 13.31861397 -43.66479492 11.27929688 C-34.65890426 8.96673401 -25.78446878 6.27291509 -16.90625 3.515625 C-16.060625 3.25458984 -15.215 2.99355469 -14.34375 2.72460938 C-12.88366662 2.27320026 -11.42504249 1.81700872 -9.96875 1.35351562 C-6.56751979 0.30895678 -3.54190543 -0.60530025 0 0 Z " fill="#FDFDFD" transform="translate(2364,1249)"/>
<path d="M0 0 C18.08375917 15.57212596 33.66513933 42.42065227 43.828125 63.57421875 C43.828125 64.23421875 43.828125 64.89421875 43.828125 65.57421875 C42.32202148 66.82006836 42.32202148 66.82006836 40.19921875 68.2265625 C39.41909424 68.75008301 38.63896973 69.27360352 37.83520508 69.81298828 C36.98724365 70.37356934 36.13928223 70.93415039 35.265625 71.51171875 C29.13493731 75.62928518 23.06461966 79.78882968 17.140625 84.19921875 C11.87159955 88.10756969 6.54116847 91.91190957 1.140625 95.63671875 C0.13286011 96.33498779 0.13286011 96.33498779 -0.89526367 97.04736328 C-3.90410282 99.11058921 -6.8298455 101.0766511 -10.171875 102.57421875 C-16.333346 94.8117356 -22.39832406 86.98924481 -28.32592773 79.04663086 C-32.67906938 73.21806051 -37.07521443 67.42300935 -41.484375 61.63671875 C-42.14203857 60.77296631 -42.79970215 59.90921387 -43.47729492 59.01928711 C-44.11513916 58.18276611 -44.7529834 57.34624512 -45.41015625 56.484375 C-46.02842285 55.66984863 -46.64668945 54.85532227 -47.28369141 54.01611328 C-48.57875662 52.34126944 -49.90037846 50.68672538 -51.24365234 49.05029297 C-51.89414551 48.25252441 -52.54463867 47.45475586 -53.21484375 46.6328125 C-54.10272583 45.56824829 -54.10272583 45.56824829 -55.00854492 44.48217773 C-55.39244385 43.85255127 -55.77634277 43.2229248 -56.171875 42.57421875 C-55.02093778 39.12140709 -53.8512757 38.19339712 -51.109375 35.88671875 C-50.37589844 35.26410156 -49.64242187 34.64148438 -48.88671875 34 C-48.32082031 33.52949219 -47.75492188 33.05898438 -47.171875 32.57421875 C-49.481875 31.91421875 -51.791875 31.25421875 -54.171875 30.57421875 C-51.31911363 27.64221401 -48.52107716 24.93106471 -45.171875 22.57421875 C-45.171875 25.21421875 -45.171875 27.85421875 -45.171875 30.57421875 C-44.5634375 30.06375 -43.955 29.55328125 -43.328125 29.02734375 C-32.45365223 20.0079281 -21.2803922 11.39340567 -9.421875 3.69921875 C-8.75454346 3.25199463 -8.08721191 2.80477051 -7.3996582 2.34399414 C-2.81372219 -0.551611 -2.81372219 -0.551611 0 0 Z " fill="#FDFDFD" transform="translate(2252.171875,960.42578125)"/>
<path d="M0 0 C8.61710195 0.45026298 16.66414426 1.79127548 25 4 C25.6300293 4.16483887 26.26005859 4.32967773 26.90917969 4.49951172 C44.76554794 9.23754168 61.72750516 16.29089226 78 25 C78.67015137 25.35707031 79.34030273 25.71414063 80.03076172 26.08203125 C89.46540203 31.14724957 98.35568015 36.66154711 107 43 C107.5372168 43.39300293 108.07443359 43.78600586 108.62792969 44.19091797 C116.90922545 50.28762265 124.53909659 56.9289456 132 64 C128.01608803 67.2957122 123.84576216 70.18110803 119.5625 73.0625 C108.00079699 80.9361661 97.29589643 89.52997762 87 99 C80.34297521 105 80.34297521 105 78 105 C76.70996094 103.54150391 76.70996094 103.54150391 75.234375 101.4765625 C74.68136719 100.71214844 74.12835937 99.94773437 73.55859375 99.16015625 C72.96175781 98.32355469 72.36492188 97.48695313 71.75 96.625 C66.94514835 89.98972867 62.06523963 83.43877883 57 77 C52.26950547 70.96983936 47.65135251 64.87236336 43.125 58.6875 C38.19177691 51.94778354 33.19329117 45.26380834 28.125 38.625 C27.46612793 37.76140869 26.80725586 36.89781738 26.12841797 36.00805664 C22.6193439 31.41405763 19.09892942 26.8290031 15.5703125 22.25 C14.48532471 20.83726807 14.48532471 20.83726807 13.37841797 19.39599609 C11.99830491 17.59922123 10.61472237 15.80510391 9.22705078 14.01416016 C5.76013141 9.49530844 2.68275243 5.02677349 0 0 Z " fill="#FDFDFD" transform="translate(2106,882)"/>
<path d="M0 0 C10.23706907 0.61864906 20.39254324 1.6489673 30.57901001 2.81286621 C35.44776359 3.36882307 40.31764024 3.91476814 45.1875 4.4609375 C46.78208794 4.6399762 46.78208794 4.6399762 48.40888977 4.82263184 C57.6450505 5.85613533 66.8844781 6.85798085 76.125 7.8515625 C77.2219774 7.96952116 77.2219774 7.96952116 78.34111595 8.08986282 C85.67293645 8.8779361 93.00500957 9.66364639 100.33717537 10.44849968 C102.42821719 10.67242569 104.5192286 10.8966334 106.61022949 11.12094116 C109.18437974 11.39699162 111.75859463 11.67244032 114.33288574 11.94717407 C120.2295201 12.57963086 126.11854642 13.2387585 132 14 C127.99119984 18.33298321 123.61230277 21.51795038 118.6875 24.75 C117.89061768 25.27513184 117.09373535 25.80026367 116.27270508 26.34130859 C108.70759623 31.27360642 101.00747305 35.82581455 93 40 C92.23945313 40.39928711 91.47890625 40.79857422 90.6953125 41.20996094 C76.00206347 48.82405965 60.7896594 54.13039138 45 59 C44.27151855 59.23444824 43.54303711 59.46889648 42.79248047 59.71044922 C28.01328239 64.46603568 10.53182703 67.63954582 -5 67 C-4.38278465 59.33353567 -3.49094551 51.71547913 -2.5 44.08984375 C-2.33103735 42.72684516 -2.16446175 41.363549 -2 40 C-1.91242432 39.28295898 -1.82484863 38.56591797 -1.73461914 37.82714844 C-0.86423538 30.03019713 -0.66577752 22.21097536 -0.4375 14.375 C-0.39419373 12.97525068 -0.35057613 11.57551096 -0.30664062 10.17578125 C-0.20137645 6.78393549 -0.09923991 3.39202646 0 0 Z " fill="#FDFDFD" transform="translate(2814,2914)"/>
<path d="M0 0 C28.37568565 1.1761614 56.6832058 2.82563972 85 5 C91.81471447 24.77391836 98.60157454 44.55691716 105.08239746 64.44326782 C105.60997472 66.0618932 106.13902327 67.68003978 106.66955566 69.29769897 C107.4068528 71.54851656 108.13806692 73.80120996 108.8671875 76.0546875 C109.08525055 76.71844894 109.3033136 77.38221039 109.52798462 78.06608582 C110.41970515 80.84601389 111 83.05734535 111 86 C105.85082734 85.57965937 101.10089033 84.55637537 96.11328125 83.19921875 C94.77092855 82.83604912 93.42856164 82.47293202 92.08618164 82.10986328 C91.06550095 81.83230194 91.06550095 81.83230194 90.02420044 81.5491333 C85.67933935 80.37044177 81.32741275 79.21799758 76.97705078 78.05981445 C74.42137216 77.37594526 71.86786371 76.68645425 69.31591797 75.98901367 C63.61003846 74.43730343 57.9299558 72.93009087 52.1171875 71.828125 C51.25963867 71.65144287 50.40208984 71.47476074 49.51855469 71.29272461 C47.99894673 70.98784203 46.47025936 70.72325036 44.93457031 70.51391602 C41.09242003 69.70516258 39.41851853 68.54228495 36.98974609 65.39526367 C35.22486913 62.56672747 33.56755857 59.72501016 31.97857666 56.79653931 C30.44543917 53.98189853 28.81943183 51.22130029 27.2109375 48.44921875 C25.93030766 46.19643918 24.65171519 43.94250041 23.375 41.6875 C21.98737365 39.24382462 20.59769764 36.80132147 19.20703125 34.359375 C18.85924118 33.74851547 18.51145111 33.13765594 18.15312195 32.50828552 C15.7571935 28.307712 13.33242429 24.12489526 10.88671875 19.953125 C10.24234863 18.85395752 9.59797852 17.75479004 8.93408203 16.62231445 C7.70962366 14.53869073 6.48282798 12.45643835 5.25341797 10.37573242 C4.7070166 9.44607666 4.16061523 8.5164209 3.59765625 7.55859375 C2.87848022 6.34127563 2.87848022 6.34127563 2.14477539 5.09936523 C1 3 1 3 0 0 Z " fill="#FCFCFC" transform="translate(2536,1380)"/>
<path d="M0 0 C52.14 0 104.28 0 158 0 C152.36961451 5.63038549 152.36961451 5.63038549 149.46875 7.98046875 C148.5104126 8.75898193 148.5104126 8.75898193 147.53271484 9.55322266 C146.86191895 10.09253418 146.19112305 10.6318457 145.5 11.1875 C144.44159912 12.04287354 144.44159912 12.04287354 143.36181641 12.91552734 C138.03618019 17.20412284 132.64218304 21.39456067 127.20703125 25.54296875 C123.80145877 28.1440258 120.42960435 30.78691993 117.0625 33.4375 C116.19020752 34.12416748 116.19020752 34.12416748 115.30029297 34.82470703 C114.1220986 35.75259621 112.94403901 36.68065654 111.76611328 37.60888672 C108.84628955 39.90874235 105.92299549 42.20417785 103 44.5 C99.44079088 47.29609309 95.88194538 50.09264576 92.32421875 52.890625 C85.89653582 57.94486408 79.46270998 62.99054491 73 68 C69.51345524 66.5158627 67.35808928 64.53785948 64.75 61.8125 C61.3650532 58.28548426 57.81374142 55.06523704 54.12353516 51.86743164 C50.60283649 48.77133782 47.21309855 45.53923574 43.8125 42.3125 C38.18184162 36.99090847 32.53062247 31.69507938 26.8269043 26.4519043 C23.90872248 23.76735955 21.0025689 21.07085702 18.109375 18.359375 C17.44631348 17.73820801 16.78325195 17.11704102 16.10009766 16.47705078 C14.82775603 15.28397494 13.55651028 14.0897288 12.28662109 12.89404297 C8.71917659 9.54986977 5.08216608 6.35222969 1.28076172 3.27490234 C0.85811035 2.85418457 0.43545898 2.4334668 0 2 C0 1.34 0 0.68 0 0 Z " fill="#FDFDFD" transform="translate(2319,3316)"/>
<path d="M0 0 C2.91834217 1.31483573 4.94920929 2.71633276 7.171875 5.01171875 C7.75453125 5.60533203 8.3371875 6.19894531 8.9375 6.81054688 C9.535625 7.42994141 10.13375 8.04933594 10.75 8.6875 C14.29266932 12.33597914 17.8317239 15.90513047 21.703125 19.20703125 C28.00550699 24.63899002 33.74064518 30.68543133 39.58203125 36.60253906 C45.03527738 42.12006042 50.48170396 47.58098411 56.38671875 52.62255859 C58.33046332 54.28215406 60.18243726 56.01597386 62 57.8125 C62.5775 58.37582031 63.155 58.93914063 63.75 59.51953125 C65 61 65 61 65 63 C63.15907101 64.56264902 61.31460167 66.00592212 59.375 67.4375 C58.17260114 68.34298571 56.97079776 69.2492626 55.76953125 70.15625 C55.1451416 70.62546875 54.52075195 71.0946875 53.87744141 71.578125 C50.9089256 73.82632214 47.9854623 76.1305732 45.0625 78.4375 C43.89847021 79.3542082 42.73440742 80.27087451 41.5703125 81.1875 C40.98797852 81.64640625 40.40564453 82.1053125 39.80566406 82.578125 C37.93168032 84.05379851 36.05594972 85.52722477 34.1796875 87 C33.55312256 87.49185791 32.92655762 87.98371582 32.28100586 88.49047852 C31.08919323 89.42596699 29.89730397 90.36135783 28.70532227 91.29663086 C26.21035514 93.25598458 23.89204649 95.11573061 21.72265625 97.44140625 C17.4159398 99.9068006 13.65134255 98.16546644 9 97 C5.23190013 95.95845625 1.50395578 94.80959611 -2.22265625 93.62890625 C-3.24934921 93.30591049 -4.27604218 92.98291473 -5.33384705 92.65013123 C-7.48348234 91.97136424 -9.63220165 91.28969005 -11.7800293 90.60522461 C-15.08060116 89.5567499 -18.38671876 88.5271981 -21.69335938 87.49804688 C-23.78682247 86.83448103 -25.87993483 86.16980744 -27.97265625 85.50390625 C-29.45995995 85.04438316 -29.45995995 85.04438316 -30.97731018 84.57557678 C-32.34024452 84.13513283 -32.34024452 84.13513283 -33.73071289 83.68579102 C-34.53328018 83.43201187 -35.33584747 83.17823273 -36.16273499 82.91676331 C-36.76903244 82.61423141 -37.3753299 82.31169952 -38 82 C-39 79 -39 79 -38.09472656 76.63769531 C-37.61487305 75.71053711 -37.13501953 74.78337891 -36.640625 73.828125 C-36.10767822 72.78358154 -35.57473145 71.73903809 -35.02563477 70.6628418 C-34.43967529 69.536604 -33.85371582 68.41036621 -33.25 67.25 C-32.34121511 65.46959608 -31.43245337 63.68917893 -30.52613831 61.90751648 C-29.90950826 60.69533976 -29.29185322 59.48368393 -28.67320251 58.27253723 C-25.87579293 52.78779542 -23.20026044 47.25036079 -20.5625 41.6875 C-19.68111448 39.834576 -18.79960055 37.98171308 -17.91796875 36.12890625 C-17.4595459 35.16484863 -17.00112305 34.20079102 -16.52880859 33.20751953 C-13.80964866 27.50258129 -11.07345651 21.80586928 -8.33126831 16.11196899 C-7.69625968 14.79252501 -7.06207721 13.47268309 -6.42874146 12.1524353 C-5.54561686 10.31161141 -4.65959461 8.47217849 -3.7734375 6.6328125 C-3.26216309 5.56949707 -2.75088867 4.50618164 -2.22412109 3.41064453 C-1 1 -1 1 0 0 Z " fill="#FDFDFD" transform="translate(2303,3340)"/>
<path d="M0 0 C11.52515628 0.57054332 22.9469302 1.53786031 34.41015625 2.84765625 C36.0000734 3.02597799 37.59003513 3.20390266 39.18003845 3.38145447 C43.30172932 3.84276351 47.42280513 4.30934804 51.54376221 4.77716064 C55.77424853 5.25641825 60.00531374 5.73050917 64.23632812 6.20507812 C72.4914497 7.13175759 80.74592669 8.06402957 89 9 C87.23689105 19.97755055 85.11135433 30.82537852 82.60107422 41.65625 C82.11589668 43.80708412 81.65697025 45.9640038 81.22412109 48.12597656 C77.71895954 65.52274382 77.71895954 65.52274382 73.36727905 69.48757935 C69.53089969 71.76043588 65.44785409 72.69524862 61.10522461 73.53771973 C57.72620842 74.27970826 54.60779869 75.58941063 51.41015625 76.88671875 C50.19392578 77.35013672 48.97769531 77.81355469 47.72460938 78.29101562 C45.87956956 78.99459081 44.03453955 79.69819344 42.19018555 80.40356445 C22.31919567 88 22.31919567 88 18 88 C13.6356506 69.9366604 9.84658999 51.77313282 6.16040039 33.56152344 C5.97533432 32.64735657 5.79026825 31.7331897 5.59959412 30.7913208 C5.2375969 29.00169562 4.87622438 27.21194395 4.51551819 25.42205811 C3.2507467 19.16640948 1.90983691 12.93184386 0.50463867 6.70605469 C0 4 0 4 0 0 Z " fill="#FDFDFD" transform="translate(3026,2937)"/>
<path d="M0 0 C2.65452371 2.35566686 3.99762536 4.70425744 5.48828125 7.91015625 C5.94436768 8.89040771 6.4004541 9.87065918 6.87036133 10.88061523 C7.58421997 12.45564819 7.58421997 12.45564819 8.3125 14.0625 C9.05052856 15.69070679 9.05052856 15.69070679 9.8034668 17.35180664 C19.7759953 39.70391208 25.83268767 63.74053985 29 88 C29.0935376 88.6803833 29.1870752 89.3607666 29.28344727 90.06176758 C33.7839934 127.66624081 28.47880515 165.47523128 16 201 C9.8402469 199.71143041 3.68548394 198.41581968 -2.43359375 196.9453125 C-3.17295166 196.76774414 -3.91230957 196.59017578 -4.67407227 196.40722656 C-6.10388334 196.06147081 -7.53281873 195.71206609 -8.96069336 195.35839844 C-13.62819301 194.22980701 -18.22546489 193.52338304 -23 193 C-21.44533167 183.58695917 -19.27524863 174.33648154 -17.0625 165.0625 C-16.67102605 163.40894387 -16.27958811 161.75537921 -15.88818359 160.10180664 C-13.69321248 150.86748943 -11.41961001 141.65620358 -9.06640625 132.4609375 C-8.82122757 131.49838547 -8.57604889 130.53583344 -8.32344055 129.54411316 C-7.13546289 124.88064469 -5.93758391 120.22026106 -4.71899414 115.56469727 C1.16135619 92.77405305 3.2195774 70.05284483 3.25 46.5625 C3.25233643 45.73349182 3.25467285 44.90448364 3.25708008 44.050354 C3.27071652 31.18220216 2.55208227 18.6564177 0.27539062 5.96240234 C0 4 0 4 0 0 Z " fill="#FCFCFC" transform="translate(3543,1200)"/>
<path d="M0 0 C0.33 0 0.66 0 1 0 C8.24103472 39.13606861 4.16797965 79.29469957 -8 117 C-8.39759521 118.28438965 -8.39759521 118.28438965 -8.80322266 119.59472656 C-17.52835271 147.67925177 -31.98315738 172.92083336 -50 196 C-52.84938493 194.62948063 -55.50263882 193.10217434 -58.16015625 191.390625 C-58.9493042 190.88563477 -59.73845215 190.38064453 -60.55151367 189.86035156 C-61.38013916 189.32893555 -62.20876465 188.79751953 -63.0625 188.25 C-69.91150958 183.88531358 -76.76754156 179.70561916 -84 176 C-83.38153896 172.96330573 -82.4018879 170.76052423 -80.734375 168.15625 C-80.26378662 167.41584473 -79.79319824 166.67543945 -79.30834961 165.91259766 C-78.79409424 165.11644043 -78.27983887 164.3202832 -77.75 163.5 C-77.21060791 162.65614746 -76.67121582 161.81229492 -76.11547852 160.94287109 C-74.41695723 158.29091025 -72.7097579 155.64472785 -71 153 C-70.49388184 152.2152832 -69.98776367 151.43056641 -69.46630859 150.62207031 C-64.12455656 142.34700652 -58.73294807 134.1052376 -53.3046875 125.88671875 C-27.44733108 86.71874362 -8.09470239 46.71799663 0 0 Z " fill="#FCFCFC" transform="translate(3753,1724)"/>
<path d="M0 0 C1.25990504 3.59774662 0.73057358 6.01812804 -0.22265625 9.6640625 C-0.51068115 10.77724854 -0.79870605 11.89043457 -1.09545898 13.03735352 C-1.57414429 14.81323853 -1.57414429 14.81323853 -2.0625 16.625 C-2.38613525 17.84179443 -2.70977051 19.05858887 -3.04321289 20.31225586 C-10.79202135 49.03736806 -22.27184519 77.87273221 -40 102 C-40.44843262 102.6192334 -40.89686523 103.2384668 -41.35888672 103.87646484 C-47.49552179 112.33583551 -53.87063475 120.34661951 -61 128 C-62.21338219 129.39144666 -63.42197803 130.78708639 -64.625 132.1875 C-70.31156944 138.67901762 -76.38702189 144.26988135 -83.1171875 149.6796875 C-84.99104316 151.18791279 -86.8513613 152.71316932 -88.6953125 154.2578125 C-95.51327028 159.96263431 -102.63156669 165.04475788 -110 170 C-114.09316681 168.48021369 -116.08841849 165.60081615 -118.5625 162.1875 C-122.65703132 156.69032764 -126.94545841 151.41894038 -131.42016602 146.22729492 C-133.4375665 143.8795252 -135.27952789 141.58070816 -137 139 C-129.11908094 132.50243376 -121.21145946 126.07719449 -113 120 C-106.79286822 115.40387371 -100.77028106 110.62265633 -94.80004883 105.72363281 C-90.6503911 102.32366661 -86.45464698 99.0011292 -82.1875 95.75 C-61.79303101 80.15275216 -41.63013619 62.67892214 -26.37744141 41.87353516 C-24.86859688 39.82127126 -23.33084734 37.79230243 -21.79296875 35.76171875 C-13.33070558 24.45524634 -6.2842756 12.63831834 0 0 Z " fill="#FCFCFC" transform="translate(3781,2287)"/>
<path d="M0 0 C8.14250864 0.62310285 16.15714212 1.7060333 24.21875 2.99609375 C25.43904907 3.18969986 26.65934814 3.38330597 27.91662598 3.58277893 C30.47500281 3.99016136 33.03306459 4.39952691 35.59082031 4.81079102 C38.21072255 5.23080657 40.83085236 5.647778 43.45214844 6.05883789 C47.25057111 6.65550955 51.04730612 7.26197342 54.84375 7.87109375 C56.01869019 8.05449814 57.19363037 8.23790253 58.4041748 8.42686462 C59.48960571 8.60367264 60.57503662 8.78048065 61.69335938 8.96264648 C63.12585022 9.19128639 63.12585022 9.19128639 64.58728027 9.42454529 C67 10 67 10 70 12 C71.03738403 13.76338196 71.03738403 13.76338196 71.97705078 15.91137695 C72.33397003 16.71593826 72.69088928 17.52049957 73.05862427 18.34944153 C73.43373138 19.22025864 73.8088385 20.09107574 74.1953125 20.98828125 C74.58822479 21.88363083 74.98113708 22.77898041 75.38595581 23.70146179 C76.21547967 25.59689606 77.04065651 27.4942378 77.86181641 29.39331055 C79.1173947 32.29492433 80.38758695 35.18978835 81.66015625 38.08398438 C82.4644186 39.92670084 83.26783215 41.76978805 84.0703125 43.61328125 C84.44946808 44.47802567 84.82862366 45.34277008 85.2192688 46.23371887 C85.56988373 47.04773666 85.92049866 47.86175446 86.28173828 48.70043945 C86.59023712 49.41166458 86.89873596 50.12288971 87.21658325 50.85566711 C88.07821282 53.21408058 88.56542555 55.53022204 89 58 C80.92241377 60.48721892 72.84470005 62.97402325 64.76683712 65.46034336 C61.01320022 66.61570459 57.25960228 67.77119201 53.50610352 68.92700195 C45.64799323 71.34665829 37.7893719 73.76463353 29.92940331 76.17824745 C25.55769838 77.52080821 21.18715229 78.86708944 16.81689453 80.21435547 C14.71262447 80.86054492 12.6082992 81.5065546 10.50390625 82.15234375 C9.55426498 82.44605362 8.60462372 82.73976349 7.62620544 83.04237366 C6.77059525 83.30416916 5.91498505 83.56596466 5.03344727 83.83569336 C3.92780174 84.17593788 3.92780174 84.17593788 2.79981995 84.52305603 C1 85 1 85 -1 85 C-1.02347125 77.01812513 -1.04108814 69.03626537 -1.05181217 61.0543642 C-1.05696666 57.34555632 -1.06392371 53.63677253 -1.07543945 49.92797852 C-1.12587268 33.26034719 -1.05300831 16.64275478 0 0 Z " fill="#FDFDFD" transform="translate(2849,987)"/>
<path d="M0 0 C4.4151447 0.61426302 7.73309199 2.25757658 11.64453125 4.359375 C12.28346817 4.7004277 12.92240509 5.04148041 13.58070374 5.39286804 C15.66142686 6.5055961 17.73701397 7.6275384 19.8125 8.75 C21.24664838 9.52009548 22.68105809 10.28970447 24.11572266 11.05883789 C27.01658704 12.61559761 29.91520881 14.17641885 32.81201172 15.74072266 C36.07993895 17.50516519 39.35217433 19.26132858 42.62730408 21.01235962 C45.37845457 22.48383556 48.12667193 23.96076097 50.875 25.4375 C51.87764893 25.97407227 52.88029785 26.51064453 53.91333008 27.06347656 C54.82622803 27.55686523 55.73912598 28.05025391 56.6796875 28.55859375 C57.47101074 28.98454834 58.26233398 29.41050293 59.07763672 29.84936523 C61 31 61 31 63 33 C63.45757902 35.89229795 63.80171681 38.71786949 64.0703125 41.62890625 C64.15626678 42.49257309 64.24222107 43.35623993 64.33078003 44.24607849 C64.51135834 46.07908773 64.68759782 47.91252874 64.85986328 49.74633789 C65.12174628 52.52794048 65.39755782 55.30788014 65.67578125 58.08789062 C65.84979364 59.87231457 66.02299573 61.65681776 66.1953125 63.44140625 C66.27653351 64.26363174 66.35775452 65.08585724 66.44143677 65.93299866 C66.94040393 71.311791 67.06961735 76.59789662 67 82 C46.65011496 82.16059035 26.35527136 81.73126689 6.01873779 81.07287598 C2.16233193 80.94900122 -1.69423133 80.83022742 -5.55078125 80.7109375 C-13.03401068 80.47875897 -20.51705664 80.24124139 -28 80 C-27.34667259 74.94374867 -26.30709468 70.82617065 -24.3125 66.125 C-22.1642802 60.94271639 -20.1475261 55.74029716 -18.3125 50.4375 C-15.42841531 42.13165556 -12.40857913 33.87708524 -9.375 25.625 C-9.13907135 24.98319794 -8.9031427 24.34139587 -8.6600647 23.68014526 C-7.52842682 20.60213157 -6.39658723 17.52419211 -5.26464844 14.44628906 C-3.49901152 9.63475803 -1.74702776 4.81831499 0 0 Z " fill="#FDFDFD" transform="translate(3165,1298)"/>
<path d="M0 0 C8.42492661 0.72240462 16.61287515 2.45396698 24.875 4.1875 C26.37676125 4.4995705 27.87855196 4.81149921 29.38037109 5.12329102 C42.94944538 7.95061247 56.4827214 10.93469923 70 14 C69.39607098 22.30040046 67.87854923 30.34708497 66.25 38.5 C65.9817167 39.85887716 65.71390104 41.21784672 65.4465332 42.5769043 C65.03726838 44.65687795 64.62765838 46.73677658 64.21626282 48.81632996 C63.29967603 53.45329086 62.40646396 58.09406429 61.52734375 62.73828125 C61.30079102 63.93324219 61.07423828 65.12820312 60.84082031 66.359375 C60.41248553 68.6233388 59.98598776 70.8876511 59.56152344 73.15234375 C59.36977539 74.16039063 59.17802734 75.1684375 58.98046875 76.20703125 C58.81442139 77.0885083 58.64837402 77.96998535 58.47729492 78.87817383 C58 81 58 81 57 83 C39.79083357 82.13506789 22.85560918 79.86241511 6.0625 76 C4.97936523 75.75096924 3.89623047 75.50193848 2.78027344 75.24536133 C-3.00396485 73.86357107 -8.48585329 72.22954668 -14 70 C-13.23599414 45.81921464 -6.83004048 23.03717557 0 0 Z " fill="#FDFDFD" transform="translate(1140,2653)"/>
<path d="M0 0 C3.9058004 0.52351843 5.86870314 1.40038333 8.6875 4.1328125 C13.14977067 8.22949451 17.94587236 11.55099656 23 14.875 C23.92425781 15.48504883 24.84851562 16.09509766 25.80078125 16.72363281 C45.82302246 29.81563078 67.25019677 40.52327786 90 48 C90.79776855 48.26264648 91.59553711 48.52529297 92.41748047 48.79589844 C116.7267874 56.62325339 141.58944454 59.75398402 167 61 C169.27282766 66.51982734 171.38592488 72.0428698 173.22998047 77.7199707 C185.88179768 116.20893269 209.21765085 149.83004126 238 178 C234.54061581 178 234.03999583 177.52621794 231.4375 175.4296875 C230.73326904 174.87039551 230.02903809 174.31110352 229.3034668 173.73486328 C228.54332275 173.1211084 227.78317871 172.50735352 227 171.875 C225.36232989 170.57603849 223.72295433 169.27922473 222.08203125 167.984375 C220.81673584 166.98567383 220.81673584 166.98567383 219.52587891 165.96679688 C215.63793854 162.93941938 211.66786874 160.029164 207.6875 157.125 C200.89784106 152.16020195 194.1785027 147.11333409 187.5 142 C180.88061507 136.93337023 174.22490289 131.9257365 167.5 127 C159.80551751 121.36280971 152.20250844 115.61358203 144.625 109.8203125 C139.43609517 105.85368303 134.2323093 101.90918123 129 98 C122.8642709 93.41585262 116.77203374 88.77683829 110.6875 84.125 C103.2374511 78.43234325 95.72865572 72.82979216 88.16479492 67.28955078 C81.32223292 62.26575384 74.57662043 57.12022854 67.8359375 51.9609375 C62.10097273 47.57935674 56.32240437 43.26457042 50.5 39 C42.88705345 33.42396223 35.36934801 27.73231986 27.87988281 21.99169922 C20.92106621 16.66925731 13.88049699 11.4653901 6.77539062 6.33984375 C5.65680664 5.52580078 5.65680664 5.52580078 4.515625 4.6953125 C3.85852539 4.22109863 3.20142578 3.74688477 2.52441406 3.25830078 C1 2 1 2 0 0 Z " fill="#FBFBFB" transform="translate(1208,2948)"/>
<path d="M0 0 C0.99 0 1.98 0 3 0 C4.65587203 2.36683359 6.1175625 4.69589821 7.5625 7.1875 C12.21490766 14.90281384 17.30052879 22.02331844 23 29 C23.42941895 29.53238281 23.85883789 30.06476562 24.30126953 30.61328125 C36.2469963 45.34004702 49.7518136 59.67160311 65 71 C65.62632324 71.47566406 66.25264648 71.95132813 66.89794922 72.44140625 C88.64183252 88.91757196 112.44313687 101.48041192 138 111 C138.0093457 111.87285645 138.01869141 112.74571289 138.02832031 113.64501953 C138.5907466 155.85456129 144.3406435 196.93144725 162.59936523 235.44384766 C163.45398529 237.27142946 164.23460665 239.13329067 165 241 C164.67 241.66 164.34 242.32 164 243 C155.34739746 230.67491021 146.80555759 218.29049267 138.48291016 205.73999023 C132.18673268 196.25355875 125.80207875 186.8284457 119.41204834 177.40509033 C113.88296856 169.24889839 108.37386469 161.08037367 102.91796875 152.875 C102.42339172 152.13136703 101.9288147 151.38773407 101.41925049 150.62156677 C99.06132027 147.07452933 96.70682502 143.52526819 94.35693359 139.97290039 C90.03995657 133.46059107 85.62872551 127.0629353 80.99536133 120.76928711 C77.54432327 115.97972089 74.30603256 111.04811212 71.05154419 106.12405396 C68.86849945 102.82219946 66.67632796 99.5264136 64.484375 96.23046875 C64.03151627 95.54931503 63.57865753 94.86816132 63.11207581 94.16636658 C58.30178082 86.93825294 53.43749622 79.74707748 48.5625 72.5625 C48.13011017 71.9251593 47.69772034 71.2878186 47.25222778 70.63116455 C45.49558694 68.04218597 43.73862803 65.45342384 41.98109436 62.86505127 C38.85248401 58.257386 35.72781051 53.64707141 32.60546875 49.03515625 C32.16072205 48.3782933 31.71597534 47.72143036 31.25775146 47.04466248 C29.48482605 44.42609909 27.7119552 41.80749885 25.93939209 39.18869019 C21.27264339 32.29445521 16.59847933 25.40550898 11.90234375 18.53125 C11.09795878 17.35271752 10.29359626 16.17416971 9.48925781 14.99560547 C7.98726074 12.79492997 6.48226219 10.59641143 4.97558594 8.39892578 C4.31719727 7.4345459 3.65880859 6.47016602 2.98046875 5.4765625 C2.40192139 4.63174316 1.82337402 3.78692383 1.22729492 2.91650391 C0 1 0 1 0 0 Z " fill="#FBFBFB" transform="translate(976,2618)"/>
<path d="M0 0 C4.73927421 0.55440566 8.84489835 1.53421987 13.3125 3.1875 C31.57812214 9.5623654 50.82073996 12.88921534 70 15 C70.78109131 15.0935376 71.56218262 15.1870752 72.36694336 15.28344727 C103.47637024 18.78416369 135.36800514 14.70675753 165.4453125 6.66308594 C169.27523632 5.66900403 173.13197835 4.83225876 177 4 C177.65484375 4.84820313 178.3096875 5.69640625 178.984375 6.5703125 C193.77882628 25.6368848 209.59962502 44.43590083 229 59 C229.53592773 59.41233887 230.07185547 59.82467773 230.62402344 60.24951172 C245.13874151 71.40998822 260.73934472 80.62983968 277 89 C273.33100631 90.32721546 271.08406311 89.65254151 267.43823242 88.4362793 C266.31625961 88.06772324 265.1942868 87.69916718 264.03831482 87.31944275 C262.21530602 86.70305687 262.21530602 86.70305687 260.35546875 86.07421875 C259.07783071 85.65051479 257.79987498 85.22776773 256.5216217 84.80592346 C253.81149656 83.90942761 251.10360644 83.00658445 248.39733887 82.09851074 C244.18393065 80.68475245 239.96599332 79.28489666 235.74707031 77.88769531 C230.91616599 76.28699536 226.08618959 74.68357106 221.25767326 73.07568169 C212.27106244 70.0836418 203.26900697 67.14284347 194.25 64.25 C193.08629883 63.87552734 191.92259766 63.50105469 190.72363281 63.11523438 C185.18756808 61.33584246 179.64758243 59.56904823 174.10546875 57.80859375 C171.88272483 57.10183816 169.66006589 56.39481524 167.4375 55.6875 C166.40399414 55.3587085 165.37048828 55.02991699 164.30566406 54.69116211 C157.9155884 52.64652726 151.6089902 50.4503067 145.30859375 48.14453125 C140.80172079 46.58548311 136.2389125 45.25205826 131.6484375 43.9621582 C126.3804452 42.46574871 121.19484852 40.75262109 116.00363159 39.00942993 C108.74991861 36.57428432 101.46945164 34.22407131 94.1875 31.875 C91.93978311 31.14920624 89.69212648 30.42322606 87.44447327 29.69723511 C85.90603889 29.20034276 84.36757647 28.70353722 82.8290863 28.20681763 C77.77518223 26.57477233 72.72302167 24.9374322 67.671875 23.296875 C65.6135265 22.62886889 63.55513076 21.96100863 61.4967041 21.29324341 C60.12608234 20.84845556 58.75555788 20.4033678 57.38513184 19.95797729 C48.53323925 17.08227603 39.66569772 14.26184809 30.78125 11.48828125 C28.87699816 10.89188036 26.97278247 10.29536403 25.06860352 9.69873047 C21.36069929 8.53701781 17.64985839 7.38536562 13.93725586 6.23876953 C12.24841324 5.71035042 10.5596865 5.18156077 8.87109375 4.65234375 C8.08742432 4.41324783 7.30375488 4.17415192 6.49633789 3.92781067 C4.64498565 3.34294239 2.81895152 2.67896347 1 2 C0.67 1.34 0.34 0.68 0 0 Z " fill="#FBFBFB" transform="translate(1536,3185)"/>
<path d="M0 0 C0.96443748 6.64816727 1.92415522 13.29700457 2.88085938 19.94628906 C3.20566369 22.20002021 3.53148003 24.45360579 3.85839844 26.70703125 C5.80317474 40.11763591 7.62342834 53.51826902 9 67 C-15.1153536 72.6696485 -39.0839339 77.74253177 -64 77 C-69.31488847 54.12169837 -71.48308287 31.46403934 -72 8 C-57.9275277 5.81364362 -43.84005144 3.77429421 -29.70748901 2.01745605 C-28.29500356 1.84133497 -26.88282062 1.66276779 -25.47097778 1.48156738 C-16.94645283 0.39214688 -8.60000967 -0.20447751 0 0 Z " fill="#FDFDFD" transform="translate(1447,2920)"/>
<path d="M0 0 C1.98486328 1.35058594 1.98486328 1.35058594 4 3 C4.2421875 5.390625 4.2421875 5.390625 3.875 8.25 C3.74424072 9.28882324 3.61348145 10.32764648 3.47875977 11.39794922 C3.17967343 13.6481888 2.85509491 15.89535872 2.49243164 18.13623047 C0.70214197 29.69532949 0.55998123 41.1946573 0.5625 52.875 C0.5614325 53.92781158 0.56036499 54.98062317 0.55926514 56.06533813 C0.59734589 82.19640121 3.63607671 107.12527824 12 132 C12.27602051 132.84304688 12.55204102 133.68609375 12.83642578 134.5546875 C17.15759279 147.70327562 22.05693205 160.55644764 28.51171875 172.81640625 C28.93469238 173.62770996 29.35766602 174.43901367 29.79345703 175.27490234 C30.62236776 176.85075764 31.46778357 178.41807081 32.33154297 179.97509766 C35.12524171 185.26722616 35.12524171 185.26722616 34.5546875 188.60546875 C32.52875674 191.72580935 30.33953031 194.6869091 28.0625 197.625 C21.5443317 206.28666162 16.18046278 215.49158154 11 225 C10.6380957 225.6604834 10.27619141 226.3209668 9.90332031 227.00146484 C-10.23543377 264.20516318 -19.77692353 305.4722881 -20.625 347.5625 C-20.66333818 349.17124138 -20.70239791 350.77996574 -20.7421875 352.38867188 C-20.83639076 356.25897017 -20.92101395 360.1293625 -21 364 C-21.99 364.33 -22.98 364.66 -24 365 C-24.28691914 353.01906646 -23.40570692 341.12644505 -22.609375 329.1796875 C-22.46294649 326.93696849 -22.31687695 324.69422602 -22.17114258 322.45146179 C-21.78260499 316.48884185 -21.38882014 310.52657957 -20.99388123 304.56438065 C-20.66754527 299.62764322 -20.3443423 294.69070284 -20.02121353 289.75375462 C-17.96405058 258.32350939 -15.87624196 226.89531242 -13.71318054 195.47216797 C-13.2561421 188.80833065 -12.80897272 182.14388226 -12.36743164 175.47900391 C-10.4535674 146.59731945 -8.47461651 117.72043213 -6.46557617 88.84521484 C-6.02171846 82.46495308 -5.57967001 76.08456729 -5.13803768 69.70415115 C-4.7897336 64.67624682 -4.44022351 59.64842683 -4.09039497 54.62062836 C-3.92694737 52.2688971 -3.76390714 49.91713748 -3.60133171 47.56534576 C-2.5040577 31.70140622 -1.3001496 15.84862738 0 0 Z " fill="#FBFBFB" transform="translate(881,1821)"/>
<path d="M0 0 C0.99 0.495 0.99 0.495 2 1 C2.63664708 6.88667875 0.53285332 10.22205866 -2.3125 15.125 C-29.63103153 64.77264709 -36.07378831 121.47042928 -29.36376953 176.98974609 C-28.88034635 180.99015405 -28.43936325 184.99454279 -28 189 C-29.07636719 189.73863281 -30.15273438 190.47726562 -31.26171875 191.23828125 C-40.61754666 197.71473073 -49.47836976 204.46339691 -58 212 C-59.25296875 213.08667969 -59.25296875 213.08667969 -60.53125 214.1953125 C-71.5664068 223.90481734 -82.11572191 234.2685791 -91 246 C-91.47759766 246.62825684 -91.95519531 247.25651367 -92.44726562 247.90380859 C-111.86720929 273.61770038 -128.91829679 303.1659046 -136.9453125 334.5859375 C-138 337 -138 337 -140.1171875 337.8515625 C-140.73851562 337.90054687 -141.35984375 337.94953125 -142 338 C-141.43903889 332.0459391 -139.01840417 327.17903987 -136.5625 321.8125 C-131.35370309 310.20122356 -126.39566505 298.49625841 -121.5 286.75 C-119.93656735 283.00244996 -118.37262528 279.25511263 -116.80859375 275.5078125 C-116.41288177 274.55947037 -116.0171698 273.61112823 -115.60946655 272.63404846 C-111.28894143 262.28567716 -106.92833338 251.95432092 -102.5625 241.625 C-102.17024231 240.6968045 -101.77798462 239.76860901 -101.37384033 238.81228638 C-99.78180068 235.04516588 -98.18963192 231.27810004 -96.59710693 227.51118469 C-93.78711023 220.86414214 -90.9805579 214.21565298 -88.17578125 207.56640625 C-77.47910847 182.21006934 -66.73388691 156.87474829 -55.95825195 131.55187988 C-53.51315762 125.80570775 -51.06870481 120.05926321 -48.625 114.3125 C-48.27907806 113.49909149 -47.93315613 112.68568298 -47.57675171 111.84762573 C-41.7561966 98.15857686 -35.96811917 84.45595303 -30.1875 70.75 C-23.6080562 55.15052593 -16.99059579 39.56880853 -10.29785156 24.01757812 C-8.10997438 18.9306402 -5.93038095 13.84015433 -3.75 8.75 C-3.01566222 7.03644238 -2.28129159 5.32289884 -1.546875 3.609375 C-0.78117187 1.82273437 -0.78117187 1.82273437 0 0 Z " fill="#FCFCFC" transform="translate(1034,1445)"/>
<path d="M0 0 C-0.79557292 1.1015625 -1.59114583 2.203125 -2.38671875 3.3046875 C-3.16583618 4.38351196 -3.16583618 4.38351196 -3.96069336 5.48413086 C-5.12935752 7.10221768 -6.29814356 8.72021647 -7.46704102 10.33813477 C-10.40268202 14.40181394 -13.33685284 18.46652314 -16.265625 22.53515625 C-22.38129572 31.02616439 -28.54951062 39.47542209 -34.76708984 47.89208984 C-41.4802864 56.98889017 -48.08275109 66.16486728 -54.68505859 75.34228516 C-57.95537287 79.88694285 -61.23512843 84.42448844 -64.52490234 88.95507812 C-65.9226459 90.89276432 -67.30116857 92.8427434 -68.67578125 94.796875 C-69.47095811 95.90653392 -70.2665032 97.0159291 -71.0625 98.125 C-71.73410156 99.07632813 -72.40570312 100.02765625 -73.09765625 101.0078125 C-73.72542969 101.66523437 -74.35320312 102.32265625 -75 103 C-80.04954874 103 -81.73545264 100.97727218 -85.25 97.75 C-98.2357238 86.26513015 -112.06705297 76.78001978 -127 68 C-125.20059732 64.11364001 -122.75764353 61.54874046 -119.625 58.6875 C-119.06192139 58.1726001 -118.49884277 57.6577002 -117.91870117 57.12719727 C-104.49264195 45.11816463 -89.64723889 34.87829132 -74 26 C-73.29810547 25.60087402 -72.59621094 25.20174805 -71.87304688 24.79052734 C-14.70882634 -7.35441317 -14.70882634 -7.35441317 0 0 Z " fill="#FCFCFC" transform="translate(2030,886)"/>
<path d="M0 0 C2.13210941 2.66420968 3.60533611 5.10291369 4.82177734 8.28686523 C5.14576508 9.1255162 5.46975281 9.96416718 5.80355835 10.82823181 C6.14424347 11.72925125 6.48492859 12.63027069 6.8359375 13.55859375 C7.19716705 14.49872818 7.55839661 15.43886261 7.93057251 16.40748596 C9.08468672 19.41524307 10.22997671 22.42627189 11.375 25.4375 C12.13743655 27.42926022 12.90045153 29.42079912 13.6640625 31.41210938 C15.12780971 35.23123391 16.58681531 39.05211404 18.04199219 42.87451172 C19.2333321 46.00093276 20.43389304 49.12319778 21.65332031 52.23876953 C22.11061523 53.40907715 22.56791016 54.57938477 23.0390625 55.78515625 C23.42529785 56.76492432 23.8115332 57.74469238 24.20947266 58.75415039 C25 61 25 61 25 63 C23.81148437 63.46656006 22.62296875 63.93312012 21.3984375 64.41381836 C12.19921739 68.0472496 3.0618871 71.78943171 -6 75.75390625 C-6.90556641 76.14887299 -7.81113281 76.54383972 -8.74414062 76.95077515 C-12.44999083 78.5685042 -16.15468183 80.18853136 -19.85253906 81.82446289 C-22.60562591 83.04046475 -25.36461974 84.242072 -28.125 85.44140625 C-28.9603125 85.81519913 -29.795625 86.188992 -30.65625 86.57411194 C-31.43226562 86.90873947 -32.20828125 87.243367 -33.0078125 87.58813477 C-33.68473145 87.8859938 -34.36165039 88.18385284 -35.05908203 88.49073792 C-37.44640162 89.11712778 -38.72171915 88.92335521 -41 88 C-42.76416016 85.34570312 -42.76416016 85.34570312 -44.5390625 81.78125 C-44.86183167 81.13956879 -45.18460083 80.49788757 -45.51715088 79.83676147 C-46.56883852 77.73190371 -47.59783445 75.61692038 -48.625 73.5 C-49.34126527 72.0470164 -50.05757415 70.5940543 -50.77392578 69.14111328 C-57.76646996 54.83907399 -64.14510404 40.1779379 -69 25 C-47.49708024 13.22639429 -23.64623081 6.08143005 0 0 Z " fill="#FDFDFD" transform="translate(1102,1621)"/>
<path d="M0 0 C2.22603039 0.01819445 4.45163728 0.02050862 6.67773438 0.02026367 C18.30023947 0.04925814 29.88605928 0.58287824 41.49023438 1.20581055 C41.78007297 8.01509531 42.06422993 14.82460142 42.34472656 21.63427734 C42.44047186 23.9432492 42.5374435 26.25217059 42.63574219 28.56103516 C43.1977752 41.78314861 43.65626305 54.97078889 43.49023438 68.20581055 C28.83814094 69.63576335 14.17353902 70.77609518 -0.50976562 71.83081055 C-1.44971375 71.89902008 -2.38966187 71.96722961 -3.35809326 72.0375061 C-6.0751463 72.2341182 -8.79240589 72.4275511 -11.50976562 72.61987305 C-12.73682724 72.7087957 -12.73682724 72.7087957 -13.98867798 72.79951477 C-18.1727348 73.09112986 -22.31209695 73.26887648 -26.50976562 73.20581055 C-27.20919124 68.46012107 -27.90266991 63.71361078 -28.59106445 58.96630859 C-28.82517847 57.35735642 -29.06081035 55.74862425 -29.2980957 54.14013672 C-31.328486 40.36524779 -32.69054925 26.8416794 -32.57226562 12.89331055 C-32.56775391 11.8549707 -32.56324219 10.81663086 -32.55859375 9.74682617 C-32.54700971 7.2330888 -32.53070485 4.71948432 -32.50976562 2.20581055 C-21.62866991 0.69073214 -10.98569364 -0.0920255 0 0 Z " fill="#FCFCFC" transform="translate(1267.509765625,1326.794189453125)"/>
<path d="M0 0 C0.39011009 0.7835511 0.39011009 0.7835511 0.7881012 1.58293152 C3.52785085 7.08478227 6.27056053 12.58515037 9.01489258 18.0847168 C10.03483795 20.12959544 11.05406112 22.17483449 12.07250977 24.22045898 C13.5476805 27.18311164 15.02545296 30.14445303 16.50390625 33.10546875 C16.98058746 34.06331268 17.45726868 35.02115662 17.94839478 36.00802612 C21.0897876 42.28774687 24.39052308 48.42608786 27.96850586 54.4699707 C29.21887276 57.53684696 29.1977967 58.9258265 28 62 C26.33618164 63.51049805 26.33618164 63.51049805 24.16015625 64.76171875 C23.35392822 65.23569092 22.5477002 65.70966309 21.71704102 66.19799805 C20.84104248 66.68953369 19.96504395 67.18106934 19.0625 67.6875 C18.15878662 68.20932861 17.25507324 68.73115723 16.32397461 69.26879883 C14.45604761 70.34311404 12.58367333 71.40973207 10.70703125 72.46875 C8.25974773 73.85307199 5.83098376 75.26419407 3.40625 76.6875 C-4.63840594 81.35287918 -12.84018504 85.42777955 -21.375 89.125 C-22.273396 89.51582764 -23.17179199 89.90665527 -24.09741211 90.30932617 C-25.36016968 90.8407019 -25.36016968 90.8407019 -26.6484375 91.3828125 C-27.76484619 91.85291748 -27.76484619 91.85291748 -28.90380859 92.33251953 C-31 93 -31 93 -35 93 C-64 43.8100331 -64 43.8100331 -64 30 C-61.93361862 28.99734455 -59.86721203 27.99474113 -57.80078125 26.9921875 C-57.14619934 26.6746048 -56.49161743 26.35702209 -55.81719971 26.02981567 C-52.15780935 24.2546022 -48.49803957 22.48017631 -44.83764648 20.70703125 C-43.31363756 19.96875364 -41.78963042 19.23047235 -40.265625 18.4921875 C-39.49702652 18.11987 -38.72842804 17.74755249 -37.9365387 17.36395264 C-33.45507687 15.19229152 -28.97618929 13.01545185 -24.49995422 10.83303833 C-21.82332605 9.52861718 -19.14524644 8.2271955 -16.46688843 6.92633057 C-15.19848888 6.30935703 -13.93076553 5.69099139 -12.66372681 5.07122803 C-10.90385167 4.2106018 -9.14144274 3.35516262 -7.37890625 2.5 C-5.88725952 1.77296875 -5.88725952 1.77296875 -4.36547852 1.03125 C-2 0 -2 0 0 0 Z " fill="#FDFDFD" transform="translate(1751,3081)"/>
<path d="M0 0 C23.91627314 1.95234883 47.96796668 13.34278087 70 22 C69.43018171 25.73307067 68.70941517 29.27571308 67.58203125 32.87890625 C67.30020996 33.78970947 67.01838867 34.7005127 66.72802734 35.63891602 C66.42590332 36.60369873 66.1237793 37.56848145 65.8125 38.5625 C63.39573515 46.36931106 61.0744241 54.1917917 58.875 62.0625 C56.59481246 70.18504992 53.99595223 78.11242665 51 86 C42.19368967 84.39640941 33.59062728 82.14281497 24.9440918 79.85131836 C22.46833026 79.19566475 19.99112267 78.54572185 17.51367188 77.89648438 C9.45036123 75.77427536 1.41225522 73.58161355 -6.58984375 71.23828125 C-7.30886368 71.02825974 -8.02788361 70.81823822 -8.76869202 70.60185242 C-13.74615043 69.12692478 -13.74615043 69.12692478 -16 68 C-15.32292355 61.36465083 -14.00001511 54.90916233 -12.62109375 48.390625 C-11.87987888 44.91875136 -11.87987888 44.91875136 -12 41 C-12.66 41 -13.32 41 -14 41 C-14 39.68 -14 38.36 -14 37 C-13.01 37.33 -12.02 37.66 -11 38 C-10.71334473 36.85954224 -10.71334473 36.85954224 -10.42089844 35.69604492 C-9.53649248 32.19167942 -8.64330187 28.68960793 -7.75 25.1875 C-7.44964844 23.99189453 -7.14929687 22.79628906 -6.83984375 21.56445312 C-4.95381662 14.20092168 -2.7599025 7.0838102 0 0 Z " fill="#FDFDFD" transform="translate(1528,1096)"/>
<path d="M0 0 C0.66 0 1.32 0 2 0 C2.5576001 1.00244751 2.5576001 1.00244751 3.12646484 2.02514648 C12.56218743 18.97489018 12.56218743 18.97489018 22.31005859 35.74584961 C26.12249241 42.17476624 29.82641053 48.66382003 33.51098633 55.16674805 C35.95686133 59.47239526 38.43587648 63.7479974 41.01953125 67.97265625 C41.49068359 68.74867188 41.96183594 69.5246875 42.44726562 70.32421875 C43.33516559 71.77991741 44.23311286 73.22955123 45.14257812 74.671875 C48.06016421 79.47223831 48.06016421 79.47223831 47.7644043 82.06665039 C46.49922602 85.26656952 43.6896288 86.8948201 41 88.875 C39.71460371 89.85214138 38.43081959 90.83140619 37.1484375 91.8125 C36.47006836 92.32941406 35.79169922 92.84632813 35.09277344 93.37890625 C31.53858766 96.13203196 28.08458285 99.00453605 24.625 101.875 C23.18123438 103.0693064 21.73722305 104.26331584 20.29296875 105.45703125 C19.57931152 106.04693848 18.8656543 106.6368457 18.13037109 107.24462891 C12.77390884 111.6582163 7.3752749 116.02032804 1.98388672 120.39111328 C-0.6792662 122.55086934 -3.34035898 124.71315456 -6.0012207 126.87573242 C-7.32371637 127.95043179 -8.64646641 129.02481822 -9.96948242 130.09887695 C-13.48185874 132.95070258 -16.98979678 135.80779159 -20.4921875 138.671875 C-21.22566406 139.27064453 -21.95914063 139.86941406 -22.71484375 140.48632812 C-24.12755445 141.63974383 -25.53906408 142.79463259 -26.94921875 143.95117188 C-31.7750756 147.8875378 -31.7750756 147.8875378 -34 149 C-32.69930989 140.52447374 -30.98792412 132.21406622 -29 123.875 C-28.69173906 122.56819026 -28.38380852 121.26130255 -28.07617188 119.9543457 C-26.3486112 112.62837198 -24.59617517 105.30833851 -22.84375 97.98828125 C-22.06210975 94.7214474 -21.28095948 91.45449666 -20.5 88.1875 C-20.30053772 87.35371826 -20.10107544 86.51993652 -19.89556885 85.66088867 C-13.08163042 57.15020154 -6.56569325 28.56864605 0 0 Z " fill="#FCFCFC" transform="translate(3218,2603)"/>
<path d="M0 0 C7.49001263 2.2744541 14.30063411 5.41618155 21.3125 8.875 C23.70882902 10.04336766 26.10576158 11.21037543 28.50390625 12.375 C29.42397964 12.822491 29.42397964 12.822491 30.36264038 13.27902222 C37.12101183 16.55845562 43.93193684 19.72199722 50.75 22.875 C51.92054932 23.41648682 53.09109863 23.95797363 54.29711914 24.51586914 C56.52338943 25.54505253 58.74986001 26.57380282 60.9765625 27.60205078 C65.07227305 29.49578775 69.16212153 31.40192704 73.25 33.3125 C74.38953125 33.84488281 75.5290625 34.37726562 76.703125 34.92578125 C77.46109375 35.28027344 78.2190625 35.63476562 79 36 C78.48460307 40.72743388 76.28723808 43.95205499 73.625 47.75 C72.71232076 49.08380081 71.80091015 50.41847039 70.890625 51.75390625 C70.41560547 52.44758301 69.94058594 53.14125977 69.45117188 53.85595703 C66.59525054 58.07545588 63.86041441 62.37380249 61.10791016 66.66113281 C60.24352596 68.00366581 59.36517645 69.33728819 58.47460938 70.66259766 C56.89589515 73.08873145 56.89589515 73.08873145 55.38476562 76.14599609 C50.80920545 84.38517848 50.80920545 84.38517848 45.90576172 86.05151367 C42.13382886 86.41866257 38.53649987 86.40408674 34.75 86.25 C33.3886315 86.23718919 32.02719912 86.23002843 30.66577148 86.22827148 C27.85557315 86.21561043 25.0489811 86.16947086 22.23974609 86.09521484 C18.07123576 85.98966322 13.90777564 85.99004153 9.73828125 86.01953125 C3.15814469 86.06056478 -3.41996336 86.05024109 -10 86 C-9.3696894 76.68725869 -8.40262668 67.44902652 -7.25 58.1875 C-7.07758597 56.78526387 -6.90539133 55.38300074 -6.73339844 53.98071289 C-6.16039819 49.31987587 -5.58050732 44.65990706 -5 40 C-4.77473607 38.18945356 -4.54947576 36.37890667 -4.32421875 34.56835938 C-2.88970434 23.04470742 -1.44751314 11.5220259 0 0 Z " fill="#FDFDFD" transform="translate(2697,3203)"/>
<path d="M0 0 C7.76790043 3.63720514 15.07673483 7.94607192 22.38916016 12.40966797 C24.96326123 13.97762144 27.5413716 15.53884418 30.1206665 17.09823608 C32.63512535 18.6184559 35.14871942 20.14010186 37.66217041 21.6619873 C38.92010142 22.42357393 40.17819643 23.18488976 41.4364624 23.94592285 C43.23061216 25.03158784 45.02364212 26.11908007 46.81640625 27.20703125 C47.86256104 27.8410083 48.90871582 28.47498535 49.98657227 29.12817383 C53.03846239 31.02389137 56.02188583 32.99112916 59 35 C55.12612435 42.97593491 50.96384239 50.69000026 46.4375 58.3125 C39.48012179 70.12783703 32.71057164 82.04310412 26 94 C22.33606047 93.39473176 19.32026945 92.37436731 15.97265625 90.77734375 C15.02293945 90.32568848 14.07322266 89.8740332 13.09472656 89.40869141 C12.0940918 88.92319824 11.09345703 88.43770508 10.0625 87.9375 C9.02706055 87.43653809 7.99162109 86.93557617 6.92480469 86.41943359 C-4.68239365 80.75371299 -15.57272189 74.42114312 -26.3125 67.25 C-27.15651367 66.6945752 -28.00052734 66.13915039 -28.87011719 65.56689453 C-29.65161133 65.03435059 -30.43310547 64.50180664 -31.23828125 63.953125 C-31.93993408 63.48036133 -32.64158691 63.00759766 -33.36450195 62.52050781 C-35.34187124 60.68216539 -35.79077312 59.68020266 -36 57 C-35.38598633 55.10327148 -35.38598633 55.10327148 -34.33203125 53.12109375 C-33.93975342 52.374646 -33.54747559 51.62819824 -33.14331055 50.85913086 C-32.70414307 50.05999268 -32.26497559 49.26085449 -31.8125 48.4375 C-31.13344604 47.17981812 -31.13344604 47.17981812 -30.44067383 45.89672852 C-11.71408734 11.71408734 -11.71408734 11.71408734 0 0 Z " fill="#FDFDFD" transform="translate(1008,2316)"/>
<path d="M0 0 C3.96971062 3.8667922 7.63496367 7.92658196 11.25 12.125 C11.82282715 12.78806152 12.3956543 13.45112305 12.98583984 14.13427734 C16.98882764 18.78403119 20.90187164 23.4993891 24.765625 28.265625 C27.2698253 31.33020579 29.81547298 34.3566222 32.375 37.375 C32.83519531 37.91769531 33.29539062 38.46039062 33.76953125 39.01953125 C35.17900132 40.68027174 36.58933242 42.34027662 38 44 C43.19219022 50.10888035 48.38123581 56.21510641 53.4375 62.4375 C56.89274151 66.68392382 60.42697834 70.85296294 64 75 C68.30719839 79.99916124 72.52780013 85.05652774 76.6875 90.1796875 C81.05765205 95.50950132 85.53456492 100.7499838 90 106 C88.76751873 109.52910489 87.55771197 111.78087432 84.8125 114.3125 C82.33225607 116.68579296 79.99005056 119.08580272 77.75 121.6875 C74.7328322 125.18714283 71.63118064 128.60254989 68.5 132 C64.88512702 135.92590179 61.32072721 139.88673265 57.828125 143.921875 C54.65599816 147.52779696 51.39018007 151.04955946 48.13671875 154.58203125 C45.9003945 157.0028246 45.9003945 157.0028246 44 160 C43.34 160 42.68 160 42 160 C41.69707031 158.75347656 41.39414062 157.50695313 41.08203125 156.22265625 C39.08924586 148.09710999 37.06729013 140.00332116 34.625 132 C32.31335357 124.39875715 30.39789056 116.71380964 28.5 109 C26.64291125 101.45253724 24.77972737 93.93191123 22.5 86.5 C19.84665456 77.85009386 17.74713884 69.06850015 15.5859375 60.28515625 C14.02417342 53.97698741 12.40556725 47.71297637 10.5 41.5 C6.33687777 27.91173811 2.68865071 13.95659976 0 0 Z " fill="#FCFCFC" transform="translate(691,1594)"/>
<path d="M0 0 C2.26907378 3.40361068 3.63690334 6.92270057 5.09765625 10.71484375 C5.40352661 11.5004216 5.70939697 12.28599945 6.02453613 13.09538269 C7.04071849 15.70806662 8.05164619 18.32275029 9.0625 20.9375 C9.77894199 22.78314656 10.49566242 24.62868505 11.21264648 26.47412109 C13.10156243 31.33923297 14.98567788 36.20618857 16.86816406 41.0737915 C17.96997047 43.92236271 19.07271031 46.77057061 20.17578125 49.61865234 C25.90720628 64.41916613 25.90720628 64.41916613 28.67163086 71.60351562 C31.86639864 79.90447997 35.07057487 88.20073128 38.3379364 96.47344971 C39.76783971 100.09668078 41.18846595 103.72351334 42.60812378 107.35076904 C43.28022757 109.06046748 43.95684925 110.7683975 44.63821411 112.47442627 C45.57503787 114.82104579 46.49616378 117.1732702 47.4140625 119.52734375 C47.6933107 120.21480179 47.9725589 120.90225983 48.26026917 121.61054993 C49.72053995 125.40761235 50.63890284 128.16390071 49 132 C47.04833984 133.5546875 47.04833984 133.5546875 44.4609375 134.875 C43.49897461 135.3788623 42.53701172 135.88272461 41.54589844 136.40185547 C40.49950195 136.92924316 39.45310547 137.45663086 38.375 138 C36.17861495 139.14638492 33.98332987 140.29487937 31.7890625 141.4453125 C30.66274414 142.03086914 29.53642578 142.61642578 28.37597656 143.21972656 C23.10669188 145.99840923 17.92702286 148.92891191 12.75 151.875 C11.79375732 152.41664795 10.83751465 152.9582959 9.85229492 153.51635742 C3.86279412 156.91605917 -2.09005717 160.36962571 -7.98828125 163.92578125 C-10 165 -10 165 -12 165 C-10.16692646 138.40304679 -8.28532641 111.80947808 -6.39312744 85.2166748 C-6.13477168 81.58512986 -5.87709372 77.95353789 -5.62005615 74.32189941 C-3.86530401 49.53806132 -1.99565634 24.76562997 0 0 Z " fill="#FCFCFC" transform="translate(928,1169)"/>
<path d="M0 0 C4.32441299 0.63889747 7.96931955 2.22323452 11.87109375 4.10546875 C12.53665787 4.42091141 13.20222198 4.73635406 13.88795471 5.06135559 C16.07354319 6.09842279 18.25543667 7.14303893 20.4375 8.1875 C21.97430371 8.91796114 23.51141753 9.64777016 25.04882812 10.37695312 C27.40624082 11.49514563 29.76345911 12.61372756 32.11972046 13.73434448 C39.39556926 17.19430154 46.69496548 20.6022062 54 24 C66.44825775 29.79680376 78.87522216 35.63837498 91.29492188 41.49609375 C99.51218172 45.37000952 107.74447455 49.20808967 116 53 C104.19223718 60.87184188 85.88847397 62.25994647 72 64 C70.854104 64.1544458 70.854104 64.1544458 69.68505859 64.31201172 C37.74270506 68.55001419 5.95057709 65.79154926 -25 57 C-24.53851562 56.11183594 -24.07703125 55.22367188 -23.6015625 54.30859375 C-15.38867068 38.30179158 -8.17521684 21.8067874 -2.05859375 4.88671875 C-1 2 -1 2 0 0 Z " fill="#FCFCFC" transform="translate(2504,3113)"/>
<path d="M0 0 C0.33 0 0.66 0 1 0 C1.70433642 7.75577139 2.20523186 15.48672927 2.46484375 23.26953125 C2.50244308 24.32467422 2.54004242 25.3798172 2.57878113 26.4669342 C2.70107286 29.91536663 2.81936669 33.36392282 2.9375 36.8125 C3.02235746 39.23650022 3.10748583 41.66049097 3.19287109 44.08447266 C3.32587404 47.8606805 3.45867243 51.63689416 3.59039307 55.41314697 C3.90328886 64.36066238 4.23432243 73.30737925 4.57421875 82.25390625 C4.71306875 85.94061667 4.85169106 89.62733559 4.99026489 93.3140564 C5.07899664 95.65916727 5.16871352 98.00424111 5.25949097 100.34927368 C5.75744577 113.23955763 6.13995818 126.09941023 6 139 C-8.54410385 141.84936551 -23.12422687 144.42742547 -37.73754883 146.89306641 C-39.19353041 147.13959958 -40.64950391 147.38618045 -42.10546875 147.6328125 C-42.80160782 147.74984528 -43.49774689 147.86687805 -44.21498108 147.98745728 C-48.84820676 148.77513382 -53.43766502 149.68772496 -58.01293945 150.76123047 C-60.25872948 151.0310895 -61.85650392 150.67524493 -64 150 C-57.30525179 134.11347475 -50.55261521 118.25278334 -43.74389648 102.41479492 C-39.58485157 92.73386889 -35.47131462 83.03412293 -31.36936951 73.32887268 C-26.45267331 61.69851332 -21.5109754 50.0788504 -16.56323242 38.46166992 C-15.03816636 34.88035731 -13.51419597 31.2985796 -11.99023438 27.71679688 C-11.00527462 25.40361761 -10.02025103 23.09046552 -9.03515625 20.77734375 C-8.58721207 19.72417465 -8.13926788 18.67100555 -7.67774963 17.58592224 C-5.16965555 11.70049421 -2.62024938 5.83640314 0 0 Z " fill="#FCFCFC" transform="translate(1290,845)"/>
<path d="M0 0 C15.49055466 14.66075086 19.15796233 55.181045 20.1061554 75.24642944 C20.16298808 77.57226308 20.19035381 79.89616679 20.203125 82.22265625 C20.20991272 83.07843765 20.21670044 83.93421906 20.22369385 84.81593323 C20.24055717 87.56482634 20.24688267 90.31355861 20.25 93.0625 C20.25233643 93.99576111 20.25467285 94.92902222 20.25708008 95.89056396 C20.27087752 110.47853538 19.50454932 124.5988414 17 139 C11.6565292 137.2909912 6.49712732 135.43058042 1.375 133.125 C-12.63958982 127.04149638 -27.96205582 121.89178793 -43 119 C-41.13412167 112.62844484 -39.14599442 106.3234106 -36.9375 100.0625 C-36.64004883 99.21606934 -36.34259766 98.36963867 -36.03613281 97.49755859 C-32.68407391 88.01820827 -29.17107285 78.59861781 -25.6640625 69.17578125 C-22.95693061 61.89799879 -20.29010094 54.60575523 -17.625 47.3125 C-11.84371358 31.5064942 -5.93166963 15.7500904 0 0 Z " fill="#FCFCFC" transform="translate(3106,1459)"/>
<path d="M0 0 C5.21659655 3.73907942 9.92796483 7.65282302 14.40625 12.24609375 C15.25975037 13.10739647 15.25975037 13.10739647 16.13049316 13.98609924 C17.92525271 15.79844753 19.71310167 17.61740326 21.5 19.4375 C23.86113523 21.83545792 26.22569865 24.22996562 28.59375 26.62109375 C29.15892334 27.19258148 29.72409668 27.76406921 30.30639648 28.35287476 C33.83357808 31.89651602 37.47491758 35.22526124 41.29492188 38.45336914 C44.16565468 41.05733425 46.55180455 44.00096057 49 47 C34.90904086 64.29221786 34.90904086 64.29221786 27.91796875 71.89453125 C26.17773826 73.80488611 24.52767244 75.76429534 22.875 77.75 C19.26199707 81.89256838 15.29882355 85.65958057 11.3125 89.4375 C10.65813965 90.0655957 10.0037793 90.69369141 9.32958984 91.34082031 C8.38720459 92.22205566 8.38720459 92.22205566 7.42578125 93.12109375 C6.86286377 93.6514624 6.29994629 94.18183105 5.7199707 94.72827148 C3.77553311 96.16596849 2.39980257 96.72822684 0 97 C-2.296875 95.375 -2.296875 95.375 -4.75 93 C-5.636875 92.15824219 -6.52375 91.31648438 -7.4375 90.44921875 C-8.7059375 89.23685547 -8.7059375 89.23685547 -10 88 C-11.24329576 86.92966272 -12.49280887 85.86648136 -13.75 84.8125 C-23.7720102 76.05086431 -32.76520843 66.44084003 -41 56 C-42.9785677 53.64710868 -44.9865507 51.32321073 -47 49 C-45.4819272 45.4252101 -43.38425289 43.14188276 -40.64208984 40.41503906 C-39.74130707 39.51440735 -38.84052429 38.61377563 -37.91244507 37.68585205 C-36.92871592 36.71233519 -35.9448775 35.73892875 -34.9609375 34.765625 C-33.95444872 33.76286839 -32.94840211 32.75966778 -31.94277954 31.75604248 C-29.30037853 29.12126187 -26.65202572 26.49254389 -24.00238037 23.86505127 C-21.29743948 21.18060312 -18.59818179 18.49045378 -15.8984375 15.80078125 C-10.60449826 10.52826382 -5.30425717 5.26213943 0 0 Z " fill="#FDFDFD" transform="translate(2091,3134)"/>
<path d="M0 0 C23.5833438 3.24487833 46.18099549 12.6905573 67 24 C67.598125 24.32178223 68.19625 24.64356445 68.8125 24.97509766 C85.81705829 34.18742705 101.55399774 45.65585051 115.66015625 58.87109375 C117.92249582 61.01112402 117.92249582 61.01112402 120.30859375 62.66015625 C120.86675781 63.10230469 121.42492188 63.54445313 122 64 C122 64.66 122 65.32 122 66 C103.39400367 66.14457623 84.84278714 65.73710344 66.25 65.0625 C63.7317855 64.9741901 61.21355629 64.88629882 58.6953125 64.79882812 C54.92990659 64.66787466 51.16454697 64.5360154 47.39929199 64.40078735 C40.84799974 64.16568625 34.2966155 63.94438714 27.74414062 63.74560547 C26.37872083 63.70331653 25.01330332 63.66095386 23.64788818 63.61851501 C21.07168356 63.53919379 18.49539123 63.46265254 15.91900635 63.38941956 C9.55782134 63.19115676 3.31314746 62.81218566 -3 62 C-3.12631945 53.66291614 -3.12631945 53.66291614 -2.52734375 50.51953125 C-1.80994332 45.73154765 -1.65191837 40.96696899 -1.46484375 36.1328125 C-1.42186661 35.09808807 -1.37888947 34.06336365 -1.33460999 32.99728394 C-1.19873696 29.70665511 -1.06804707 26.41584399 -0.9375 23.125 C-0.8460455 20.88800681 -0.75425243 18.65102743 -0.66210938 16.4140625 C-0.43748357 10.9428623 -0.21710795 5.47150341 0 0 Z " fill="#FDFDFD" transform="translate(2927,1308)"/>
<path d="M0 0 C-6.72519357 8.91343443 -13.68207198 17.5661016 -21 26 C-21.79664062 26.92167969 -22.59328125 27.84335938 -23.4140625 28.79296875 C-27.35546436 33.26937189 -31.37434638 37.40905125 -35.94140625 41.24609375 C-37.35631984 42.45158939 -38.73810914 43.69671984 -40.08984375 44.97265625 C-54.94865273 58.96787633 -87.74816224 87 -109 87 C-109.20753906 85.79730469 -109.41507813 84.59460937 -109.62890625 83.35546875 C-111.52997904 72.70606827 -113.84135257 62.22120536 -116.5625 51.75 C-116.85519775 50.62102295 -117.14789551 49.4920459 -117.44946289 48.32885742 C-118.91767123 42.77066968 -120.48247797 37.30952597 -122.46459961 31.91113281 C-123 30 -123 30 -123 26 C-122.3594165 25.85602783 -121.71883301 25.71205566 -121.05883789 25.5637207 C-103.11731814 21.52815291 -85.1857794 17.44947683 -67.25714111 13.35708618 C-63.50417859 12.50095323 -59.75091617 11.64614727 -55.99755859 10.79174805 C-41.46507728 7.48592465 -41.46507728 7.48592465 -26.94540405 4.12445068 C-24.00931363 3.43829604 -21.0718984 2.75793646 -18.13427734 2.07836914 C-16.24684762 1.63882098 -14.3616596 1.18968121 -12.4765625 0.74023438 C-11.38472656 0.48822266 -10.29289062 0.23621094 -9.16796875 -0.0234375 C-8.25297607 -0.23919434 -7.3379834 -0.45495117 -6.39526367 -0.67724609 C-3.92632846 -1.009927 -2.34406452 -0.78419861 0 0 Z " fill="#FDFDFD" transform="translate(3168,2608)"/>
<path d="M0 0 C-2.55498537 2.55498537 -4.66052765 2.9783125 -8.12231445 4.02441406 C-9.06894549 4.3133702 -9.06894549 4.3133702 -10.03470039 4.60816383 C-12.14246447 5.2499574 -14.25283522 5.88271176 -16.36328125 6.515625 C-17.85378201 6.96776058 -19.34409947 7.42050081 -20.83424377 7.87380981 C-24.00876591 8.83829518 -27.18440879 9.79895829 -30.36102295 10.75653076 C-35.30446956 12.24672735 -40.24555733 13.7446228 -45.18603516 15.24462891 C-46.40944485 15.61607245 -46.40944485 15.61607245 -47.65756989 15.99501991 C-49.30290037 16.49459823 -50.94822001 16.99421224 -52.59352875 17.49386215 C-55.06073229 18.2428367 -57.52818193 18.9909961 -59.9956665 19.73904419 C-75.51710374 24.44710632 -91.0027625 29.26681265 -106.47387695 34.13769531 C-108.14664584 34.6621135 -109.81941594 35.18652784 -111.4921875 35.7109375 C-112.23763321 35.94732941 -112.98307892 36.18372131 -113.75111389 36.42727661 C-118.77432289 38 -118.77432289 38 -121 38 C-121.17015625 37.21689453 -121.3403125 36.43378906 -121.515625 35.62695312 C-126.99698742 7.97702203 -126.99698742 7.97702203 -137.10620117 -18.09912109 C-138 -20 -138 -20 -138 -23 C-91.70658812 -28.86289411 -41.5751657 -21.32059779 0 0 Z " fill="#FDFDFD" transform="translate(2764,1097)"/>
<path d="M0 0 C5.40547263 2.52343931 10.57895566 5.3191208 15.66894531 8.42211914 C25.6490768 14.49051678 36.03139245 19.2854893 46.71630859 23.97607422 C49.52446504 25.23515142 52.26522113 26.58952533 55 28 C43.25677689 46.89127196 25.66081557 64.54640429 8 78 C7.43168457 78.4340918 6.86336914 78.86818359 6.27783203 79.31542969 C-10.94765547 92.40515138 -29.53898095 102.6936817 -49.0859375 111.92578125 C-50.42857666 112.56060425 -50.42857666 112.56060425 -51.79833984 113.20825195 C-52.5248877 113.46952881 -53.25143555 113.73080566 -54 114 C-54.66 113.67 -55.32 113.34 -56 113 C-55.51233154 112.0298999 -55.02466309 111.0597998 -54.5222168 110.06030273 C-52.65052139 106.33550791 -50.78180138 102.60922613 -48.91381836 98.88256836 C-48.11673288 97.29331671 -47.31892149 95.70442887 -46.52026367 94.1159668 C-41.34427448 83.81978538 -36.29020911 73.4727632 -31.33526611 63.06840515 C-26.16483267 52.22229131 -20.88801706 41.42875817 -15.59887695 30.64013672 C-13.90535978 27.184416 -12.21534549 23.7269952 -10.52539062 20.26953125 C-9.4429184 18.05979292 -8.36024413 15.85015355 -7.27734375 13.640625 C-6.77532944 12.61269836 -6.27331512 11.58477173 -5.75608826 10.5256958 C-5.29122513 9.57910095 -4.826362 8.6325061 -4.34741211 7.65722656 C-3.94090927 6.82725159 -3.53440643 5.99727661 -3.11558533 5.14215088 C-2 3 -2 3 0 0 Z " fill="#FCFCFC" transform="translate(2395,3152)"/>
<path d="M0 0 C7.19300517 0.98168525 14.31136011 2.05023916 21.4375 3.4375 C34.79018276 5.95877205 48.47828103 6.80430634 62 8 C49.15870007 51.15460435 26.33009145 85.61993122 -5.125 117.25 C-5.97980957 118.10964355 -6.83461914 118.96928711 -7.71533203 119.85498047 C-8.51310059 120.65049316 -9.31086914 121.44600586 -10.1328125 122.265625 C-11.21393311 123.34505371 -11.21393311 123.34505371 -12.31689453 124.44628906 C-14 126 -14 126 -15 126 C-14.41404257 117.06207298 -13.4348039 108.24277692 -12.1875 99.375 C-10.65078805 88.159958 -9.26291662 76.93660719 -8 65.6875 C-7.66952336 62.74866944 -7.33886303 59.80985972 -7.0078125 56.87109375 C-6.88465919 55.77755585 -6.88465919 55.77755585 -6.75901794 54.66192627 C-5.83844004 46.51970405 -4.861662 38.38444086 -3.875 30.25 C-3.79459473 29.5840683 -3.71418945 28.9181366 -3.63134766 28.23202515 C-2.49295653 18.81110509 -1.2728721 9.4035308 0 0 Z " fill="#FDFDFD" transform="translate(2723,2992)"/>
<path d="M0 0 C8.79620993 4.68864817 17.37825791 9.70983536 25.9375 14.8125 C27.34732133 15.65113884 28.75715223 16.48976161 30.16699219 17.32836914 C41.70601842 24.1993861 53.18958554 31.1600491 64.66015625 38.14453125 C72.52200358 42.93066707 80.41498219 47.6640079 88.31298828 52.39013672 C91.44872495 54.26884357 94.58189493 56.15180613 97.71484375 58.03515625 C99.44850744 59.07693347 101.18220969 60.11864649 102.91592407 61.16033936 C104.59549816 62.16976929 106.27468133 63.17984956 107.95385742 64.18994141 C108.9719751 64.80144043 109.99009277 65.41293945 111.0390625 66.04296875 C111.94865723 66.58977295 112.85825195 67.13657715 113.79541016 67.69995117 C115.17149012 68.5114269 116.57112942 69.28556471 118 70 C117.37706063 73.71000225 116.32745208 76.87809213 114.82275391 80.32177734 C114.37203522 81.3599057 113.92131653 82.39803406 113.4569397 83.46762085 C112.96841522 84.57916534 112.47989075 85.69070984 111.9765625 86.8359375 C111.2235939 88.56500839 111.2235939 88.56500839 110.45541382 90.32901001 C109.12188174 93.38893187 107.78414383 96.44694193 106.4442749 99.50408936 C105.08962831 102.59758425 103.74028301 105.6933887 102.390625 108.7890625 C100.40858786 113.33376145 98.42364065 117.87716748 96.43603516 122.41943359 C94.60577074 126.60534756 92.79133252 130.79728708 91 135 C80.78683643 122.4175665 72.06046397 108.68860412 63.11865234 95.19628906 C59.64782275 89.96004787 56.16850238 84.72948174 52.6875 79.5 C52.07890137 78.58299316 51.47030273 77.66598633 50.84326172 76.72119141 C46.75523142 70.57770253 42.59316873 64.48865226 38.40510559 58.41325378 C32.12303089 49.29000488 25.94618514 40.09552669 19.75585938 30.90991211 C18.15820893 28.53975808 16.55967467 26.17020235 14.9609375 23.80078125 C14.45181824 23.045159 13.94269897 22.28953674 13.41815186 21.51101685 C11.04695556 17.99872489 8.66051308 14.49982712 6.22363281 11.03271484 C5.7995816 10.42840134 5.3755304 9.82408783 4.93862915 9.20146179 C3.80810465 7.59624908 2.67114423 5.99557444 1.53369141 4.39526367 C0 2 0 2 0 0 Z " fill="#FCFCFC" transform="translate(610,2076)"/>
<path d="M0 0 C2.67080972 5.88919588 5.33990251 11.77916766 8.0078125 17.66967773 C8.91529619 19.67278593 9.82317036 21.67571726 10.73144531 23.6784668 C12.03814149 26.55991773 13.34342449 29.44200519 14.6484375 32.32421875 C15.25635635 33.66355721 15.25635635 33.66355721 15.8765564 35.029953 C21.5777119 47.63185163 21.5777119 47.63185163 20 53 C18.50102729 55.87717149 16.73308561 58.55056321 14.9375 61.25 C13.85044957 62.91639584 12.76596261 64.58446581 11.68359375 66.25390625 C11.09562012 67.16027832 10.50764648 68.06665039 9.90185547 69.00048828 C7.80375015 72.30951549 5.78825616 75.66036174 3.78515625 79.02734375 C3.06738454 80.22573323 2.34936749 81.42397581 1.63110352 82.62207031 C0.56489203 84.40080091 -0.49652643 86.18156261 -1.54373169 87.97155762 C-2.52636424 89.6490013 -3.52841794 91.31502229 -4.53125 92.98046875 C-5.10423828 93.94879639 -5.67722656 94.91712402 -6.26757812 95.91479492 C-6.83927734 96.6029126 -7.41097656 97.29103027 -8 98 C-12.7627252 98 -13.42603612 97.20260658 -16.9375 94.1875 C-17.90558594 93.36636719 -18.87367188 92.54523437 -19.87109375 91.69921875 C-20.38140137 91.25884277 -20.89170898 90.8184668 -21.41748047 90.36474609 C-23.55089854 88.52491163 -25.7034557 86.70815014 -27.85546875 84.89013672 C-28.95947263 83.95691253 -30.06232314 83.02232233 -31.1640625 82.08642578 C-34.5573901 79.20550669 -37.98178957 76.36867895 -41.4375 73.5625 C-46.29272684 69.61188602 -51.04463743 65.55167762 -55.78198242 61.46142578 C-60.40336795 57.48124231 -65.11457838 53.63383345 -69.890625 49.83984375 C-72 48 -72 48 -74 45 C-72.71484375 44.20442708 -71.4296875 43.40885417 -70.14453125 42.61328125 C-69.30575439 42.09403076 -68.46697754 41.57478027 -67.6027832 41.03979492 C-65.71202308 39.86934012 -63.82123444 38.69893139 -61.93041992 37.52856445 C-57.23421602 34.62164869 -52.53832546 31.71423252 -47.84375 28.8046875 C-46.1666841 27.76559687 -44.48960076 26.72653438 -42.8125 25.6875 C-41.55348877 24.90717407 -41.55348877 24.90717407 -40.26904297 24.11108398 C-35.19983887 20.97199328 -30.12266257 17.84618465 -25.0390625 14.73046875 C-23.84788418 13.99978228 -22.65672203 13.26906947 -21.46557617 12.53833008 C-19.15455652 11.12061903 -16.8420007 9.70552385 -14.52856445 8.29174805 C-12.95014771 7.32362183 -12.95014771 7.32362183 -11.33984375 6.3359375 C-10.40519287 5.76407715 -9.47054199 5.1922168 -8.50756836 4.60302734 C-6.00022828 3.0528152 -6.00022828 3.0528152 -3.79125977 1.29150391 C-2 0 -2 0 0 0 Z " fill="#FDFDFD" transform="translate(3426,2133)"/>
<path d="M0 0 C6.45164467 5.22132324 6.45164467 5.22132324 8.89453125 8.49609375 C9.37043701 9.12966797 9.84634277 9.76324219 10.33666992 10.41601562 C11.06720581 11.41665039 11.06720581 11.41665039 11.8125 12.4375 C12.33239502 13.14197266 12.85229004 13.84644531 13.38793945 14.57226562 C33.39340513 41.94719515 47.66968911 72.05874408 56 104.9375 C56.30301025 106.12835205 56.60602051 107.3192041 56.91821289 108.54614258 C58.34039389 114.39140247 59 118.85334237 59 125 C38.87 125 18.74 125 -2 125 C-2.0721179 97.59519929 -2.09161464 70.21173193 -1.5625 42.8125 C-1.54285187 41.74559937 -1.52320374 40.67869873 -1.50296021 39.57946777 C-1.25438269 26.36818015 -0.79073482 13.19023295 0 0 Z " fill="#FCFCFC" transform="translate(2846,1160)"/>
<path d="M0 0 C4.15976681 3.70089565 6.92201062 8.18713548 9.9375 12.8125 C11.16668439 14.67793027 12.39724743 16.54245256 13.62890625 18.40625 C14.31098145 19.43878906 14.99305664 20.47132813 15.69580078 21.53515625 C20.20240683 28.32981523 24.79704872 35.06582627 29.375 41.8125 C30.33068022 43.22173908 31.28632866 44.6309997 32.24194336 46.0402832 C34.49380913 49.36074567 36.74661737 52.68056676 39 56 C37.3517167 59.5254184 35.58431831 61.50063059 32.625 64.0625 C28.66274956 67.53805782 24.74732378 71.05031125 20.875 74.625 C17.00433761 78.18579023 13.09050201 81.68707502 9.1171875 85.1328125 C5.89111482 87.97794671 2.7326456 90.89632879 -0.43310547 93.80810547 C-5.25584891 98.24223628 -10.1234112 102.6251824 -15 107 C-16.66692647 108.49971128 -18.33359149 109.99971321 -20 111.5 C-23.33333333 114.5 -26.66666667 117.5 -30 120.5 C-30.82757812 121.24507812 -31.65515625 121.99015625 -32.5078125 122.7578125 C-34.14739879 124.23292618 -35.78799655 125.70691652 -37.4296875 127.1796875 C-38.64011719 128.26636719 -38.64011719 128.26636719 -39.875 129.375 C-40.69226563 130.10847656 -41.50953125 130.84195313 -42.3515625 131.59765625 C-44.27599768 133.34327223 -46.18614406 135.09909175 -48.0859375 136.87109375 C-48.61203613 137.35980957 -49.13813477 137.84852539 -49.68017578 138.35205078 C-51.16995552 139.73803249 -52.6554158 141.1286529 -54.140625 142.51953125 C-56.99110997 144.99228802 -59.82170091 146.9830025 -63 149 C-60.81276278 142.11497297 -58.20086586 135.52279451 -55.34375 128.890625 C-54.88916412 127.82717865 -54.43457825 126.7637323 -53.96621704 125.6680603 C-52.9892909 123.38361875 -52.01077796 121.09985524 -51.03082275 118.81671143 C-48.68301159 113.34647336 -46.3446978 107.87217753 -44.00555801 102.39822769 C-43.20876344 100.53397588 -42.41153265 98.6699111 -41.61422729 96.80587769 C-37.13918533 86.34105075 -32.70248366 75.86031802 -28.28265381 65.37207031 C-26.372178 60.83858082 -24.45944827 56.30604244 -22.546875 51.7734375 C-22.17565521 50.8936322 -21.80443542 50.0138269 -21.42196655 49.10736084 C-17.45983262 39.71801213 -13.49475374 30.32992336 -9.51751709 20.94696045 C-8.76130613 19.16189214 -8.00596272 17.37645605 -7.25152588 15.59063721 C-6.21944723 13.14799118 -5.18435396 10.70664538 -4.1484375 8.265625 C-3.84214417 7.5388858 -3.53585083 6.81214661 -3.22027588 6.06338501 C-1.11419611 1.11419611 -1.11419611 1.11419611 0 0 Z " fill="#FCFCFC" transform="translate(701,2235)"/>
<path d="M0 0 C24.80438632 4.90602727 49.57208732 9.9546283 74.24093628 15.50411987 C87.05349727 18.38470669 99.89722603 21.08290667 112.77539062 23.65429688 C120.27253652 25.16152106 127.65079009 26.88233949 135 29 C134.35911716 44.47478942 133.47369737 59.92198279 132.4375 75.375 C132.29731903 77.49087171 132.15734424 79.60675709 132.01757812 81.72265625 C131.6807474 86.81526393 131.34117826 91.90768182 131 97 C127.63063871 97 127.02964146 96.56691112 124.40234375 94.6484375 C123.33802124 93.87705444 123.33802124 93.87705444 122.25219727 93.09008789 C121.48834717 92.52410889 120.72449707 91.95812988 119.9375 91.375 C118.73855103 90.49799438 118.73855103 90.49799438 117.51538086 89.60327148 C111.19233797 84.95034946 104.99170805 80.14741541 98.81738281 75.29980469 C92.73923849 70.53854792 86.54808242 65.9487789 80.31665039 61.39086914 C74.3227187 56.99775951 68.40049732 52.51766143 62.5 48 C55.88061574 42.93337075 49.2249262 37.92570424 42.5 33 C34.72608041 27.3051234 27.04284784 21.49862395 19.38989258 15.64233398 C15.61002416 12.74987258 11.82937718 9.86068947 8.0078125 7.0234375 C7.43538818 6.59844971 6.86296387 6.17346191 6.27319336 5.7355957 C4.81317169 4.6554719 3.3500868 3.57949197 1.88671875 2.50390625 C1.26410156 2.00761719 0.64148438 1.51132813 0 1 C0 0.67 0 0.34 0 0 Z " fill="#FCFCFC" transform="translate(685,2555)"/>
<path d="M0 0 C3.87763626 13.2035969 7.52510035 26.46944755 11.11508179 39.75369263 C11.6216671 41.6261317 12.12998848 43.49810195 12.64004517 45.36959839 C13.36663662 48.03803388 14.08652406 50.7081919 14.8046875 53.37890625 C15.02629044 54.18856842 15.24789337 54.99823059 15.47621155 55.83242798 C16.42013576 59.36967917 17 62.31364644 17 66 C10.59746011 64.7002844 4.62784404 62.93265456 -1.5 60.6875 C-7.84936809 58.4090412 -14.19745207 56.27822236 -20.6875 54.4375 C-27.10154424 52.61573743 -33.35754344 50.50007644 -39.62573242 48.23022461 C-44.53824759 46.4692621 -49.48179691 44.9298189 -54.5 43.5 C-60.24747376 41.86239259 -65.88084288 40.03470054 -71.5 38 C-77.86831803 35.69564546 -84.27496961 33.68690353 -90.78320312 31.81762695 C-96.44230932 30.18564136 -102.01890315 28.35862076 -107.59765625 26.46875 C-113.52259225 24.47515297 -119.4824597 22.58878287 -125.4375 20.6875 C-126.57123047 20.32551514 -127.70496094 19.96353027 -128.87304688 19.59057617 C-131.58180531 18.7263394 -134.29077463 17.86277171 -137 17 C-134.26053786 14.26053786 -131.55954708 14.41282588 -127.87109375 14.0703125 C-126.77832626 13.95778641 -126.77832626 13.95778641 -125.66348267 13.84298706 C-124.0841506 13.68112533 -122.50441418 13.52317241 -120.92434692 13.36865234 C-116.69506968 12.95428293 -112.46891191 12.50982735 -108.2421875 12.0703125 C-107.37978958 11.9814679 -106.51739166 11.89262329 -105.62886047 11.80108643 C-97.42944746 10.95274345 -89.24459211 10.00055805 -81.0625 9 C-80.3895993 8.91801361 -79.71669861 8.83602722 -79.02340698 8.7515564 C-69.17314587 7.54828973 -59.33485388 6.26087521 -49.5 4.9375 C-40.08778342 3.67205432 -30.67467282 2.41961375 -21.25 1.25 C-19.76016602 1.05845337 -19.76016602 1.05845337 -18.24023438 0.86303711 C-12.12837925 0.11790604 -6.15552703 -0.15095298 0 0 Z " fill="#FBFBFB" transform="translate(1050,2968)"/>
<path d="M0 0 C1.10448921 29.76683375 -2.57540791 57.66580969 -12 86 C-12.45492988 87.45646872 -12.90817976 88.91346376 -13.359375 90.37109375 C-18.32640967 105.87766439 -25.714637 121.00606154 -34 135 C-34.33 135 -34.66 135 -35 135 C-35.24121582 133.87432617 -35.48243164 132.74865234 -35.73095703 131.58886719 C-35.89201431 130.83726822 -36.05307159 130.08566925 -36.2190094 129.31129456 C-36.58387016 127.60860757 -36.94872807 125.90591997 -37.31358337 124.20323181 C-38.33455929 119.43861501 -39.35558793 114.67400952 -40.37670898 109.90942383 C-43.93035806 93.32754456 -43.93035806 93.32754456 -45.65234375 85.27734375 C-46.1223878 83.08072745 -46.59243952 80.88411279 -47.0625 78.6875 C-47.2905835 77.62080078 -47.51866699 76.55410156 -47.75366211 75.45507812 C-49.16950529 68.8435743 -50.60017182 62.23542227 -52.0390625 55.62890625 C-52.57830289 53.14899982 -53.11739575 50.66906136 -53.65646362 48.18911743 C-54.16844212 45.83753528 -54.68292367 43.4865107 -55.19750977 41.13549805 C-57.30732227 31.45353213 -59.22965473 21.74972759 -61 12 C-59.74062622 11.80422363 -59.74062622 11.80422363 -58.45581055 11.60449219 C-38.73096374 8.57501447 -38.73096374 8.57501447 -19.125 4.875 C-18.41561279 4.72901367 -17.70622559 4.58302734 -16.9753418 4.43261719 C-12.48911422 3.45929734 -8.20563075 2.12208042 -3.87841797 0.59033203 C-2 0 -2 0 0 0 Z " fill="#FDFDFD" transform="translate(3043,2722)"/>
<path d="M0 0 C1.60670721 3.21341441 -0.07253917 6.12688812 -1.125 9.375 C-1.32609375 10.02855469 -1.5271875 10.68210937 -1.734375 11.35546875 C-13.9241888 49.76072548 -37.04803202 83.96785807 -65.1875 112.4375 C-65.74042725 112.99977295 -66.29335449 113.5620459 -66.86303711 114.14135742 C-70.75344309 118 -70.75344309 118 -73 118 C-73.73089844 116.52466797 -73.73089844 116.52466797 -74.4765625 115.01953125 C-82.55009593 99.08092676 -92.38784176 84.14979852 -103.5234375 70.1796875 C-105 68 -105 68 -105 65 C-103.19018555 63.56469727 -103.19018555 63.56469727 -100.63671875 62.06640625 C-99.69699219 61.50630859 -98.75726562 60.94621094 -97.7890625 60.36914062 C-96.76554687 59.77294922 -95.74203125 59.17675781 -94.6875 58.5625 C-92.55515498 57.29437107 -90.42365544 56.02481949 -88.29296875 54.75390625 C-87.22481934 54.11984863 -86.15666992 53.48579102 -85.05615234 52.83251953 C-80.82341816 50.29450205 -76.65842896 47.65739899 -72.5 45 C-65.65421534 40.64464707 -58.7516823 36.39235517 -51.8125 32.1875 C-40.72456475 25.46731285 -29.7248589 18.61154884 -18.74267578 11.72021484 C-14.66491439 9.16263012 -10.58250911 6.61249657 -6.5 4.0625 C-5.21872407 3.26176024 -3.93747089 2.46098408 -2.65625 1.66015625 C-1.7796875 1.11230469 -0.903125 0.56445312 0 0 Z " fill="#FCFCFC" transform="translate(3276,2225)"/>
<path d="M0 0 C0.99 0.495 0.99 0.495 2 1 C2.82808457 3.62381854 3.53271845 6.20654836 4.1875 8.875 C4.39890625 9.70563965 4.6103125 10.5362793 4.828125 11.39208984 C5.29918589 13.24302268 5.7669263 15.09480268 6.23193359 16.94726562 C7.63209266 22.51229709 9.06566389 28.06869584 10.5 33.625 C10.79616211 34.77597168 11.09232422 35.92694336 11.39746094 37.11279297 C13.30577093 44.4783657 15.32347997 51.79749182 17.578125 59.06494141 C18.42977914 61.84223192 19 64.07184494 19 67 C18.22027832 67.32983887 17.44055664 67.65967773 16.63720703 67.99951172 C0.60308803 74.78522687 -15.41987202 81.59642802 -31.42193604 88.45742798 C-34.01516762 89.56900151 -36.60886903 90.679473 -39.20263672 91.78979492 C-48.15962332 95.62602906 -57.10979756 99.47726152 -66.04882812 103.35517883 C-70.58789914 105.32326155 -75.12951029 107.28544148 -79.67138672 109.24703979 C-81.88518821 110.20506426 -84.09776292 111.16592871 -86.30908203 112.12966919 C-89.39056094 113.47239436 -92.47601023 114.80556116 -95.5625 116.13671875 C-96.9546875 116.74774948 -96.9546875 116.74774948 -98.375 117.37112427 C-99.64537109 117.91577835 -99.64537109 117.91577835 -100.94140625 118.47143555 C-102.05044312 118.95292305 -102.05044312 118.95292305 -103.18188477 119.44413757 C-105 120 -105 120 -107 119 C-84.5 94 -84.5 94 -82.2421875 91.4921875 C-80.76707382 89.85260121 -79.29308348 88.21200345 -77.8203125 86.5703125 C-73.69902232 81.9796939 -69.55126212 77.41552893 -65.375 72.875 C-62.37819989 69.61609506 -59.40085453 66.34500451 -56.5 63 C-53.13677362 59.12182987 -49.66664329 55.34472189 -46.19189453 51.56689453 C-41.75776372 46.74415109 -37.3748176 41.8765888 -33 37 C-31.50028872 35.33307353 -30.00028679 33.66640851 -28.5 32 C-27.7575 31.175 -27.015 30.35 -26.25 29.5 C-24 27 -21.75 24.5 -19.5 22 C-18.39205078 20.76830078 -18.39205078 20.76830078 -17.26171875 19.51171875 C-15.72437314 17.80444202 -14.18524445 16.09876956 -12.64453125 14.39453125 C-8.36083954 9.65161631 -4.13303908 4.87486661 0 0 Z " fill="#FCFCFC" transform="translate(729,1778)"/>
<path d="M0 0 C14.19095758 6.98820373 27.05860836 16.69129466 39 27 C39.77988281 27.66902344 40.55976563 28.33804688 41.36328125 29.02734375 C53.80613141 39.96320387 65.22711598 51.61684014 75 65 C75.49097168 65.66789551 75.98194336 66.33579102 76.48779297 67.02392578 C82.04217177 74.61825722 87.3599651 82.33433198 92.25 90.375 C92.6330127 90.99947021 93.01602539 91.62394043 93.41064453 92.26733398 C95.07545006 95.07177103 96 96.67858987 96 100 C94.90945312 100.29132813 93.81890625 100.58265625 92.6953125 100.8828125 C77.09211789 105.10041176 61.91836283 109.82673372 47.19165039 116.5480957 C46.06424438 117.04829224 46.06424438 117.04829224 44.9140625 117.55859375 C44.2535791 117.86079834 43.5930957 118.16300293 42.91259766 118.47436523 C40.45060872 119.15098793 39.34821826 119.01602558 37 118 C35.87940979 115.71234131 35.87940979 115.71234131 34.99438477 112.63964844 C34.653181 111.49312805 34.31197723 110.34660767 33.96043396 109.16534424 C33.60352982 107.90937439 33.24662567 106.65340454 32.87890625 105.359375 C32.29225025 103.37094319 31.69903128 101.3845426 31.10548115 99.39815903 C30.69326741 98.01754038 30.2829443 96.63635597 29.8744154 95.25464249 C27.73159404 88.02382534 25.39221334 80.86421929 23.02734375 73.703125 C22.60541598 72.42043031 22.18367403 71.13767448 21.76211548 69.8548584 C20.70244147 66.63213011 19.64018227 63.4102609 18.5770874 60.18865967 C15.03865803 49.46329158 11.51127805 38.73428857 8 28 C7.60016907 26.77804932 7.20033813 25.55609863 6.78839111 24.29711914 C5.64656439 20.79874148 4.51148032 17.29825761 3.37890625 13.796875 C3.03560776 12.74614807 2.69230927 11.69542114 2.33860779 10.612854 C2.02907669 9.6510321 1.71954559 8.68921021 1.40063477 7.69824219 C1.12872818 6.85912292 0.85682159 6.02000366 0.57667542 5.15545654 C0 3 0 3 0 0 Z " fill="#FDFDFD" transform="translate(2502,961)"/>
<path d="M0 0 C-0.41179909 15.47090506 -1.34852538 30.88187366 -2.5 46.3125 C-2.56571198 47.20783447 -2.63142395 48.10316895 -2.6991272 49.02563477 C-2.88891732 51.59685934 -3.08403152 54.16761685 -3.28125 56.73828125 C-3.36719673 57.90089226 -3.36719673 57.90089226 -3.45487976 59.08699036 C-3.72343246 62.49515913 -4.11018977 65.70174921 -5 69 C-8.08504008 69.86829571 -11.02309224 70.23379866 -14.21736145 70.46192932 C-15.2729274 70.53903137 -16.32849335 70.61613342 -17.41604614 70.6955719 C-19.1452681 70.81641396 -19.1452681 70.81641396 -20.90942383 70.93969727 C-22.73685875 71.07158951 -22.73685875 71.07158951 -24.60121155 71.20614624 C-27.94000345 71.44633133 -31.27899171 71.68332753 -34.61812043 71.91875577 C-38.11704997 72.1660706 -41.61571855 72.41702707 -45.11442566 72.66746521 C-50.99285758 73.08767233 -56.87148654 73.50502986 -62.75024414 73.9206543 C-69.53622298 74.40044915 -76.32188741 74.88450488 -83.10739499 75.37091595 C-89.64365807 75.83937877 -96.18011965 76.3050127 -102.71668053 76.76930046 C-105.49367225 76.96658526 -108.27059428 77.16481263 -111.04746437 77.36380196 C-114.93223624 77.64201226 -118.81729541 77.91606532 -122.70239258 78.18969727 C-123.84913452 78.27228287 -124.99587646 78.35486847 -126.17736816 78.43995667 C-131.46611119 78.8091768 -136.69826574 79.09830148 -142 79 C-139.32945264 76.91821693 -136.6580805 75.17438996 -133.67578125 73.57421875 C-132.39960937 72.88489258 -132.39960937 72.88489258 -131.09765625 72.18164062 C-130.17855469 71.68857422 -129.25945313 71.19550781 -128.3125 70.6875 C-120.0017586 66.19415915 -111.73423154 61.63203561 -103.5 57 C-95.65451184 52.58996789 -87.78607071 48.22876862 -79.875 43.9375 C-72.41327618 39.88951819 -65.00451386 35.75841148 -57.625 31.5625 C-48.70168434 26.49058733 -39.70979261 21.55966628 -30.67553711 16.68847656 C-24.32676627 13.26430258 -17.99473423 9.8126436 -11.6875 6.3125 C-10.94653076 5.90233643 -10.20556152 5.49217285 -9.44213867 5.06958008 C-0.33204376 0 -0.33204376 0 0 0 Z " fill="#FBFBFB" transform="translate(905,1355)"/>
<path d="M0 0 C4.33224489 1.52566816 8.01931271 3.76888027 11.8125 6.3125 C12.7866687 6.96520874 12.7866687 6.96520874 13.78051758 7.63110352 C26.03801267 15.99788922 37.27604339 25.76558206 48 36 C49.30904297 37.24716797 49.30904297 37.24716797 50.64453125 38.51953125 C56.58948954 44.31837689 61.87052904 50.47559546 67 57 C67.77988281 57.96292969 68.55976563 58.92585938 69.36328125 59.91796875 C78.8929566 71.90985687 89.15936725 85.758063 95 100 C94.67 100.66 94.34 101.32 94 102 C93.23896973 101.70456299 92.47793945 101.40912598 91.69384766 101.10473633 C61.96282537 89.56775411 32.17758552 78.17750247 2.34143066 66.91519165 C0.22344459 66.11471663 -1.89344678 65.31139897 -4.01025391 64.5078125 C-6.6429063 63.50925053 -9.2805918 62.52619663 -11.92333984 61.5546875 C-13.10750488 61.11382813 -14.29166992 60.67296875 -15.51171875 60.21875 C-16.55158936 59.83654297 -17.59145996 59.45433594 -18.6628418 59.06054688 C-21 58 -21 58 -22 56 C-21.1813296 53.87304002 -20.25294064 51.78811465 -19.28125 49.7265625 C-18.67515546 48.42246499 -18.06928894 47.11826149 -17.46362305 45.81396484 C-16.98184097 44.7873172 -16.98184097 44.7873172 -16.49032593 43.7399292 C-6.26946797 22.54745196 -6.26946797 22.54745196 0 0 Z " fill="#FCFCFC" transform="translate(3134,1627)"/>
<path d="M0 0 C2.97586763 1.30526072 4.71842293 2.53637712 6.6640625 5.1328125 C7.14101562 5.76517822 7.61796875 6.39754395 8.109375 7.04907227 C8.60953125 7.73412842 9.1096875 8.41918457 9.625 9.125 C10.15351563 9.84292725 10.68203125 10.56085449 11.2265625 11.30053711 C34.96128377 43.93934477 54.83055003 85.15449375 57 126 C49.9270254 120.90745829 43.3996218 115.25645275 36.8125 109.5625 C29.23821915 103.03294755 21.56821064 96.62528773 13.8125 90.3125 C10.1190609 87.2756723 6.47701514 84.18039045 2.83374023 81.08374023 C-0.55954109 78.2045468 -3.98267786 75.36795763 -7.4375 72.5625 C-12.29080883 68.61344667 -17.03847089 64.55234105 -21.77758789 60.46801758 C-27.1086828 55.88320206 -32.53104545 51.41980817 -38 47 C-37.42055005 43.63011349 -36.40149528 42.05500783 -33.9375 39.71484375 C-33.3098877 39.10737305 -32.68227539 38.49990234 -32.03564453 37.87402344 C-31.02800049 36.91544434 -31.02800049 36.91544434 -30 35.9375 C-23.82912107 29.92231172 -18.3155662 23.78818986 -13 17 C-11.39865889 15.06016403 -9.79448959 13.12265927 -8.1875 11.1875 C-5.22477492 7.57214667 -2.46700664 3.96866286 0 0 Z " fill="#FCFCFC" transform="translate(3227,1996)"/>
<path d="M0 0 C3.46395315 1.45931507 5.3748033 3.28823264 7.8125 6.125 C11.28805707 10.08724957 14.82023999 13.97659499 18.43457031 17.81298828 C19.73213684 19.19185678 21.02444113 20.57569556 22.31152344 21.96435547 C25.28636757 25.16762783 28.27510828 28.29946774 31.48046875 31.2734375 C32.00398926 31.7802002 32.52750977 32.28696289 33.06689453 32.80908203 C34.46068672 34.15190957 35.88743541 35.46029561 37.31640625 36.765625 C40.06834617 42.05241446 38.34306917 46.3718329 37 52 C36.62491121 53.66593739 36.25176672 55.33231324 35.88012695 56.99902344 C34.58358706 62.75853117 33.23099231 68.50425386 31.875 74.25 C31.40199299 76.26684485 30.92933385 78.28377132 30.45703125 80.30078125 C29.30869712 85.2014713 28.15565727 90.10103192 27 95 C23.23546793 94.34113168 19.8019069 93.3009311 16.21484375 91.98828125 C15.06129395 91.56675781 13.90774414 91.14523437 12.71923828 90.7109375 C11.45854488 90.24509999 10.19796869 89.77894519 8.9375 89.3125 C8.29504333 89.07611816 7.65258667 88.83973633 6.99066162 88.59619141 C-8.20891235 83.00147344 -23.29758155 77.11779121 -38.37117004 71.19340515 C-42.89789803 69.41757847 -47.44385855 67.69900717 -52 66 C-50.52745531 61.32096745 -47.77835457 58.14638565 -44.5625 54.5625 C-40.44406409 49.86941299 -36.44739086 45.12496228 -32.625 40.1875 C-28.50787387 34.88009685 -24.28632409 29.67170738 -20 24.5 C-15.02913162 18.50199138 -10.14834064 12.44558707 -5.375 6.2890625 C-3.66093915 4.0830027 -1.97790594 1.97790594 0 0 Z " fill="#FDFDFD" transform="translate(3364,1695)"/>
<path d="M0 0 C0.66 0 1.32 0 2 0 C2.86522299 4.94204938 3.71925552 9.88586257 4.56347656 14.83154297 C4.85150783 16.50979227 5.14246192 18.1875429 5.43652344 19.86474609 C9.55351078 43.37638471 9.55351078 43.37638471 6.53125 48.48046875 C5.8609375 49.04378906 5.190625 49.60710937 4.5 50.1875 C3.39205078 51.16009766 3.39205078 51.16009766 2.26171875 52.15234375 C1.51535156 52.76207031 0.76898437 53.37179687 0 54 C-1.23127829 55.08093273 -2.46046934 56.16424792 -3.6875 57.25 C-4.34105469 57.81203125 -4.99460937 58.3740625 -5.66796875 58.953125 C-8.66270063 61.58166688 -11.57975602 64.28926718 -14.5 67 C-18.55996398 70.76573031 -22.65412164 74.47220684 -26.84375 78.09375 C-29.77240413 80.68285002 -32.63396673 83.34196234 -35.5 86 C-39.57560888 89.77949539 -43.67820492 93.50935701 -47.890625 97.13671875 C-49.63554642 98.678066 -51.34533974 100.24348043 -53.046875 101.83203125 C-53.58562256 102.333396 -54.12437012 102.83476074 -54.67944336 103.35131836 C-55.74915414 104.34938459 -56.81522535 105.35136933 -57.87719727 106.35766602 C-60.25330828 108.57138798 -61.87794552 109.95931517 -65 111 C-67.55079503 104.40019248 -70.09531435 97.79799068 -72.63549805 91.1940918 C-73.50026668 88.94809323 -74.36646716 86.70264542 -75.23413086 84.45776367 C-76.48147958 81.22979368 -77.72365526 77.9998741 -78.96484375 74.76953125 C-79.35341049 73.76727005 -79.74197723 72.76500885 -80.14231873 71.7323761 C-80.68276573 70.32147957 -80.68276573 70.32147957 -81.23413086 68.88208008 C-81.55167831 68.05823318 -81.86922577 67.23438629 -82.19639587 66.38557434 C-83.02028631 63.93977818 -83.54931122 61.53880658 -84 59 C-83.40799805 58.58862793 -82.81599609 58.17725586 -82.20605469 57.75341797 C-69.27190357 48.76430755 -56.3507163 39.75716797 -43.45166016 30.71777344 C-40.1358395 28.39451969 -36.81894946 26.07279547 -33.50195312 23.7512207 C-31.84818534 22.59368008 -30.19453737 21.43596824 -28.54101562 20.27807617 C-24.14021347 17.19655645 -19.73741153 14.11794072 -15.33203125 11.04296875 C-14.40841797 10.39779297 -13.48480469 9.75261719 -12.53320312 9.08789062 C-10.7499201 7.84228088 -8.96608543 6.59746045 -7.18164062 5.35351562 C-6.38564453 4.79728516 -5.58964844 4.24105469 -4.76953125 3.66796875 C-4.06417236 3.17578857 -3.35881348 2.6836084 -2.63208008 2.17651367 C-1.04590666 1.09927727 -1.04590666 1.09927727 0 0 Z " fill="#FDFDFD" transform="translate(1272,1759)"/>
<path d="M0 0 C0.33 0 0.66 0 1 0 C2.11995056 43.14824917 -4.87881582 83.44570465 -23.3125 122.75 C-23.73313721 123.65016846 -24.15377441 124.55033691 -24.5871582 125.4777832 C-24.98765381 126.3049585 -25.38814941 127.13213379 -25.80078125 127.984375 C-26.15309814 128.71366211 -26.50541504 129.44294922 -26.8684082 130.19433594 C-28 132 -28 132 -31 134 C-31.77859375 133.23558594 -32.5571875 132.47117187 -33.359375 131.68359375 C-46.98720002 118.54804042 -62.32441656 107.55527425 -78 97 C-76.65303168 94.08324748 -75.11555313 91.74064765 -73.05859375 89.27734375 C-72.47972412 88.57988037 -71.90085449 87.88241699 -71.30444336 87.16381836 C-70.68835205 86.4291333 -70.07226074 85.69444824 -69.4375 84.9375 C-68.15613626 83.39592786 -66.87488607 81.85426134 -65.59375 80.3125 C-64.97242187 79.56742188 -64.35109375 78.82234375 -63.7109375 78.0546875 C-61.60598732 75.52682495 -59.51884748 72.9848208 -57.4375 70.4375 C-56.74527344 69.59058594 -56.05304687 68.74367188 -55.33984375 67.87109375 C-51.82317191 63.55597889 -48.31439087 59.23446379 -44.80541992 54.91308594 C-40.2174237 49.2640441 -35.61254585 43.62901428 -31 38 C-29.49985719 36.16678352 -27.99985918 34.33344854 -26.5 32.5 C-24.29771834 29.80790053 -22.09511364 27.11607386 -19.890625 24.42578125 C-19.18421875 23.56339844 -18.4778125 22.70101563 -17.75 21.8125 C-17.02296875 20.925625 -16.2959375 20.03875 -15.546875 19.125 C-13.54537452 16.67618212 -11.56049157 14.21432808 -9.578125 11.75 C-8.69108887 10.65014771 -8.69108887 10.65014771 -7.78613281 9.52807617 C-6.60591274 8.06409352 -5.42813012 6.59814214 -4.25292969 5.13012695 C-3.44710449 4.13178833 -3.44710449 4.13178833 -2.625 3.11328125 C-2.14289062 2.51298096 -1.66078125 1.91268066 -1.1640625 1.29418945 C-0.58785156 0.65356567 -0.58785156 0.65356567 0 0 Z " fill="#FDFDFD" transform="translate(3255,1829)"/>
<path d="M0 0 C0.99 0 1.98 0 3 0 C19.51047062 40.73484964 26.13343055 93.1285454 14 136 C10.91158221 133.30713122 9.04080404 129.94543133 7.0078125 126.4453125 C6.62587738 125.79670258 6.24394226 125.14809265 5.85043335 124.47982788 C5.03130307 123.08816116 4.21411379 121.69535049 3.39868164 120.30151367 C1.2471051 116.62482115 -0.91944954 112.9569822 -3.0859375 109.2890625 C-3.72888763 108.19969391 -3.72888763 108.19969391 -4.38482666 107.08831787 C-7.68220556 101.51164627 -11.05925724 95.98946384 -14.5 90.5 C-20.47340916 80.95558391 -26.20811165 71.27470361 -31.93203735 61.57949829 C-36.95430376 53.07307586 -41.98608737 44.58394322 -47.41088867 36.32495117 C-49.15943071 33.61612789 -50 32.3032985 -50 29 C-49.32759277 28.67950684 -48.65518555 28.35901367 -47.96240234 28.02880859 C-22.33186073 16.49513552 -22.33186073 16.49513552 0 0 Z " fill="#FCFCFC" transform="translate(3194,2375)"/>
<path d="M0 0 C1.57897765 9.29650965 2.62627692 18.56803459 3.43261719 27.95776367 C3.62571355 30.1957701 3.82807602 32.43281026 4.03125 34.66992188 C4.39751824 38.77754117 4.71260549 42.88606958 5 47 C5.07444336 48.03680908 5.14888672 49.07361816 5.22558594 50.1418457 C5.48119586 56.3279452 5.48119586 56.3279452 3.375 59.26953125 C2.59125 59.77871094 1.8075 60.28789062 1 60.8125 C0.08476562 61.45445312 -0.83046875 62.09640625 -1.7734375 62.7578125 C-2.83820312 63.49773438 -3.90296875 64.23765625 -5 65 C-7.57588187 67.02098988 -10.09823101 69.10561932 -12.625 71.1875 C-13.99145828 72.30037515 -15.35865935 73.41233881 -16.7265625 74.5234375 C-17.42168945 75.08901367 -18.11681641 75.65458984 -18.83300781 76.23730469 C-22.55397439 79.26404857 -26.27711018 82.28812229 -30 85.3125 C-31.35417619 86.41274869 -32.70834376 87.513008 -34.0625 88.61328125 C-35.031875 89.40089844 -36.00125 90.18851563 -37 91 C-40.21693815 88.03581182 -42.33784972 85.03722408 -44.51171875 81.25 C-45.0002533 80.40650749 -45.0002533 80.40650749 -45.49865723 79.54597473 C-46.20064172 78.33299048 -46.89992973 77.11844245 -47.59677124 75.90249634 C-49.46757972 72.63935117 -51.35943943 69.3884473 -53.25 66.13671875 C-53.63923141 65.46630051 -54.02846283 64.79588226 -54.42948914 64.10514832 C-58.59142752 56.95242326 -62.87823162 49.87714995 -67.1875 42.8125 C-67.53871918 42.23653076 -67.88993835 41.66056152 -68.25180054 41.06713867 C-69.26534287 39.40532616 -70.27915251 37.74367668 -71.29296875 36.08203125 C-71.9173584 35.05674316 -72.54174805 34.03145508 -73.18505859 32.97509766 C-74.3913243 30.99775654 -75.60256446 29.02344117 -76.81884766 27.05224609 C-77.36976074 26.15199707 -77.92067383 25.25174805 -78.48828125 24.32421875 C-78.97466064 23.53490967 -79.46104004 22.74560059 -79.9621582 21.93237305 C-81 20 -81 20 -81 18 C-70.88949396 15.18439248 -60.74747652 12.78245132 -50.47946167 10.62084961 C-37.38638632 7.86344804 -24.34018948 4.98864224 -11.36181641 1.72705078 C-10.43675293 1.49743652 -9.51168945 1.26782227 -8.55859375 1.03125 C-7.76767334 0.83080078 -6.97675293 0.63035156 -6.16186523 0.42382812 C-4 0 -4 0 0 0 Z " fill="#FDFDFD" transform="translate(3335,2569)"/>
<path d="M0 0 C-5.44270047 13.77750075 -11.10595066 27.4454339 -16.9375 41.0625 C-18.08696738 43.75005847 -19.23576169 46.43789952 -20.38319397 49.12632751 C-21.08752042 50.77625398 -21.79305581 52.42566507 -22.49998474 54.07447815 C-22.81444046 54.8105278 -23.12889618 55.54657745 -23.45288086 56.30493164 C-23.72853378 56.94854141 -24.00418671 57.59215118 -24.28819275 58.25526428 C-24.92332213 59.81205218 -25.46830668 61.40492003 -26 63 C-34.50709053 61.48939514 -42.81802931 59.575949 -51.13964844 57.25683594 C-53.09627208 56.71747987 -55.05310639 56.17888753 -57.01013184 55.64099121 C-58.00471909 55.36754379 -58.99930634 55.09409637 -60.02403259 54.81236267 C-64.70737188 53.53393133 -69.40022512 52.29237766 -74.09472656 51.05566406 C-75.02463284 50.81062511 -75.95453911 50.56558617 -76.91262436 50.3131218 C-78.83280437 49.80746677 -80.75304627 49.30204671 -82.67334747 48.79685211 C-87.86657116 47.42957618 -93.05815429 46.05609101 -98.25 44.68359375 C-104.79784614 42.95279299 -111.34619335 41.22396914 -117.89648438 39.50244141 C-123.25316101 38.0944398 -128.60805526 36.67983975 -133.96178436 35.26067352 C-135.99139161 34.72397023 -138.02164877 34.18971846 -140.0525589 33.65796661 C-142.86780099 32.92051853 -145.6806888 32.17467728 -148.49316406 31.42675781 C-149.33037994 31.20960617 -150.16759583 30.99245453 -151.03018188 30.76872253 C-156.77192331 29.22807669 -156.77192331 29.22807669 -159 27 C-158.39341553 26.89977539 -157.78683105 26.79955078 -157.16186523 26.69628906 C-130.52832841 22.30110435 -130.52832841 22.30110435 -103.96875 17.484375 C-103.26967529 17.35187347 -102.57060059 17.21937195 -101.8503418 17.08285522 C-98.40816698 16.42981956 -94.96700447 15.77210808 -91.52734375 15.10595703 C-83.83011445 13.63699791 -76.16848266 12.4553153 -68.39794922 11.46484375 C-63.98647751 10.86134884 -59.66213637 10.00320165 -55.3125 9.0625 C-47.68032473 7.4737253 -40.04435989 6.19328741 -32.32983398 5.07885742 C-26.66300001 4.25789518 -21.01549569 3.36128648 -15.375 2.375 C-14.65803955 2.25181396 -13.9410791 2.12862793 -13.20239258 2.00170898 C-1.70896835 -0.03715149 -1.70896835 -0.03715149 0 0 Z " fill="#FCFCFC" transform="translate(1208,1013)"/>
<path d="M0 0 C7.0257008 -0.1447124 13.84973559 0.26637329 20.828125 1.05859375 C22.31708282 1.22150658 22.31708282 1.22150658 23.83612061 1.38771057 C25.9170677 1.61638214 27.99773528 1.84761077 30.078125 2.08129883 C33.25461841 2.43801865 36.43188189 2.78707417 39.609375 3.13476562 C41.64067391 3.35893221 43.67192566 3.5835267 45.703125 3.80859375 C47.11890839 3.96490517 47.11890839 3.96490517 48.56329346 4.12437439 C53.06825786 4.63170516 57.53621532 5.19391041 62 6 C62.42928097 29.62035993 60.80688464 52.83539401 56 76 C49.13687219 76.10768217 42.39503173 75.83042376 35.5625 75.1875 C34.13949585 75.05492798 34.13949585 75.05492798 32.68774414 74.91967773 C18.92271307 73.57196409 5.42184462 71.33860632 -8 68 C-7.31504366 57.94339665 -6.27992381 47.94823582 -5.125 37.9375 C-4.9939386 36.79152847 -4.9939386 36.79152847 -4.86022949 35.62240601 C-3.49400916 23.70695062 -1.94100311 11.83717805 0 0 Z " fill="#FCFCFC" transform="translate(2734,2906)"/>
<path d="M0 0 C17.32916774 9.03835023 32.06545697 22.55049358 47 35 C47.59876953 35.49870605 48.19753906 35.99741211 48.81445312 36.51123047 C50.20996949 37.67375273 51.60503945 38.83681085 53 40 C49.1117012 45.91404807 45.10352644 51.71616565 40.9375 57.4375 C39.79806794 59.0077333 38.65874841 60.57804828 37.51953125 62.1484375 C36.65062256 63.34484863 36.65062256 63.34484863 35.76416016 64.56542969 C34.00733843 66.98987284 32.25824313 69.41969311 30.51171875 71.8515625 C25.13301409 79.3367473 19.75164307 86.7940769 14 94 C7.87734665 90.73476414 2.12047184 87.16327999 -3.5625 83.1875 C-11.38448896 77.77313599 -19.26706009 72.45622486 -27.1875 67.1875 C-28.25750244 66.47553467 -29.32750488 65.76356934 -30.42993164 65.0300293 C-32.95265844 63.35240258 -35.4759702 61.67566544 -38 60 C-36.79702364 56.86437309 -35.49702226 53.93257589 -33.8203125 51.0234375 C-33.39250488 50.28013184 -32.96469727 49.53682617 -32.52392578 48.77099609 C-32.06228027 47.98031738 -31.60063477 47.18963867 -31.125 46.375 C-30.6388623 45.54178223 -30.15272461 44.70856445 -29.65185547 43.85009766 C-20.63366273 28.49292581 -11.07962423 13.95675246 0 0 Z " fill="#FDFDFD" transform="translate(1885,972)"/>
<path d="M0 0 C3.30693772 1.80378421 6.38768894 3.86910586 9.4765625 6.015625 C36.79805153 24.53866841 67.46461082 37.34738181 99.6640625 44.453125 C100.50839844 44.64148926 101.35273438 44.82985352 102.22265625 45.02392578 C104.36933775 45.50240803 106.51647284 45.97873869 108.6640625 46.453125 C108.6640625 46.783125 108.6640625 47.113125 108.6640625 47.453125 C64.29145758 48.79028678 19.90798498 48.57377702 -24.47940481 48.52515161 C-35.06790929 48.51376286 -45.65641458 48.50842295 -56.24492371 48.50344861 C-77.94193514 48.49312734 -99.63893552 48.47565637 -121.3359375 48.453125 C-121.3359375 48.123125 -121.3359375 47.793125 -121.3359375 47.453125 C-120.68858643 47.33308105 -120.04123535 47.21303711 -119.37426758 47.08935547 C-104.43819146 44.28941738 -89.83199528 41.02515496 -75.3359375 36.453125 C-74.12574951 36.07897461 -74.12574951 36.07897461 -72.89111328 35.69726562 C-48.60001878 28.09071641 -24.2405148 16.50146179 -4.37890625 0.40234375 C-2.3359375 -0.546875 -2.3359375 -0.546875 0 0 Z " fill="#FCFCFC" transform="translate(2089.3359375,3251.546875)"/>
<path d="M0 0 C5.70533884 0.17771732 11.39076803 0.46764995 17.08642578 0.84326172 C20.76570045 1.04119153 24.44047145 1.0691586 28.12475586 1.06079102 C39.33415524 2.23472681 39.33415524 2.23472681 42.54872131 5.64115906 C43.8538048 7.80195862 44.89606168 9.97346573 45.91015625 12.28515625 C46.74469776 14.01908214 47.57967593 15.75279792 48.41503906 17.48632812 C49.04774719 18.84612793 49.04774719 18.84612793 49.6932373 20.23339844 C51.85659977 24.81354293 54.21703861 29.29019616 56.55078125 33.78515625 C57.50215174 35.64127979 58.45192252 37.49822408 59.40014648 39.35595703 C59.87684784 40.28974182 60.35354919 41.22352661 60.84469604 42.18560791 C61.32907135 43.1349823 61.81344666 44.08435669 62.3125 45.0625 C62.81113556 46.03958923 63.30977112 47.01667847 63.82351685 48.02337646 C66.7794831 53.81719104 69.73179233 59.61285735 72.68151855 65.40985107 C73.89357888 67.79093634 75.10715713 70.17124013 76.32128906 72.55126953 C78.20138577 76.23848812 80.07093689 79.93091196 81.9375 83.625 C82.46835205 84.665354 82.9992041 85.70570801 83.54614258 86.77758789 C84.01431396 87.70949951 84.48248535 88.64141113 84.96484375 89.6015625 C85.3630835 90.38869629 85.76132324 91.17583008 86.17163086 91.98681641 C87 94 87 94 87 97 C81.45067683 97.71850741 75.90055386 98.43035777 70.34960938 99.13623047 C68.46396219 99.37694451 66.57854029 99.61943067 64.69335938 99.86376953 C61.97323945 100.21600493 59.25235522 100.56171924 56.53125 100.90625 C55.69758911 101.0156189 54.86392822 101.12498779 54.00500488 101.2376709 C48.95924717 101.86886687 44.08537473 102.10211596 39 102 C35.19709191 94.96508043 32.46751017 87.57246909 29.6852417 80.09490967 C28.16303121 76.00498695 26.62612332 71.92059207 25.08984375 67.8359375 C24.60248749 66.5389946 24.60248749 66.5389946 24.10528564 65.21585083 C19.38904184 52.6885513 14.53022033 40.21582482 9.68676758 27.73730469 C0 2.76385958 0 2.76385958 0 0 Z " fill="#FCFCFC" transform="translate(1561,2784)"/>
<path d="M0 0 C9.19093487 3.94408669 18.31627778 8.01027787 27.375 12.25 C28.29627686 12.67394043 29.21755371 13.09788086 30.16674805 13.53466797 C31.02695557 13.94088379 31.88716309 14.34709961 32.7734375 14.765625 C33.54091309 15.12430664 34.30838867 15.48298828 35.09912109 15.85253906 C37 17 37 17 39 20 C39.55908851 22.89913416 40.02189052 25.75309937 40.42041016 28.67480469 C40.54749863 29.56132721 40.6745871 30.44784973 40.80552673 31.36123657 C41.22432551 34.29709222 41.63191453 37.2343827 42.0390625 40.171875 C42.32713205 42.21355622 42.61574429 44.25516093 42.90487671 46.29669189 C43.50979328 50.5799425 44.1094035 54.86389205 44.70507812 59.1484375 C45.46765508 64.63172412 46.24127879 70.11337969 47.01865578 75.59458542 C47.61605663 79.81317229 48.20856499 84.03243474 48.79951096 88.25193024 C49.08291622 90.27265437 49.36759538 92.29320028 49.65358353 94.31356049 C50.05332202 97.14426652 50.44670992 99.97578483 50.83837891 102.80761719 C50.95679642 103.63800507 51.07521393 104.46839294 51.19721985 105.32394409 C51.82693071 109.93257367 52.11543873 114.34838685 52 119 C18.49821699 112.66225392 18.49821699 112.66225392 4 109 C3.19106909 104.6438649 2.79728472 100.41126572 2.61108398 95.98608398 C2.58167725 95.31002609 2.55227051 94.6339682 2.52197266 93.93742371 C2.42610477 91.70712602 2.33583108 89.47664596 2.24609375 87.24609375 C2.18041846 85.66503765 2.11458383 84.08398817 2.04859924 82.50294495 C1.91074865 79.17678687 1.77584568 75.85052441 1.64282227 72.52416992 C1.50855702 69.17403536 1.36996258 65.82413157 1.22680664 62.47436523 C0.33653485 41.63489935 -0.23189741 20.86130484 0 0 Z " fill="#FDFDFD" transform="translate(1363,2578)"/>
<path d="M0 0 C11.39903143 1.47058854 22.71829107 3.05151055 34 5.2578125 C38.35705965 6.08988986 42.73595812 6.73691617 47.125 7.375 C55.7904347 8.63729786 64.42670086 10.0492416 73.0625 11.5 C87.56326156 13.93356233 102.07732807 16.24564052 116.61010742 18.47875977 C118.85257042 18.82356772 121.0949227 19.16909663 123.3371582 19.51538086 C128.48176095 20.30941174 133.62705165 21.09524465 138.77734375 21.8515625 C139.65455078 21.98304688 140.53175781 22.11453125 141.43554688 22.25 C143.05704659 22.49303509 144.67941421 22.7303751 146.30273438 22.9609375 C149.8440387 23.49837122 151.97090446 23.98060298 155 26 C154.61255615 26.4125 154.2251123 26.825 153.82592773 27.25 C144.58639948 37.05764757 144.58639948 37.05764757 135.62890625 47.12109375 C131.35788803 52.04761597 126.94620203 56.85386711 122.56640625 61.68359375 C121.78136719 62.55113281 120.99632812 63.41867187 120.1875 64.3125 C119.47980469 65.09238281 118.77210937 65.87226562 118.04296875 66.67578125 C115.94830256 69.05881449 113.96288965 71.5077918 112 74 C107.99219871 73.44649745 105.59148689 72.28278347 102.35546875 69.8828125 C98.89670007 67.37279664 95.42596936 64.91543182 91.86328125 62.5546875 C90.97398926 61.96461914 90.08469727 61.37455078 89.16845703 60.76660156 C88.22599121 60.14237305 87.28352539 59.51814453 86.3125 58.875 C76.41432249 52.29886646 66.56786333 45.65029294 56.74060059 38.96881104 C48.08647483 33.08759416 39.39939525 27.2582168 30.68359375 21.46875 C29.23871582 20.50844879 29.23871582 20.50844879 27.76464844 19.52874756 C22.9661513 16.34030423 18.16492594 13.15607911 13.35986328 9.97753906 C11.60571465 8.813271 9.85164189 7.64888861 8.09765625 6.484375 C7.27736435 5.94373413 6.45707245 5.40309326 5.61192322 4.84606934 C4.86995193 4.35255981 4.12798065 3.85905029 3.36352539 3.35058594 C2.71090225 2.91872986 2.05827911 2.48687378 1.38587952 2.04193115 C0.92853928 1.69809387 0.47119904 1.35425659 0 1 C0 0.67 0 0.34 0 0 Z " fill="#FCFCFC" transform="translate(1447,762)"/>
<path d="M0 0 C11.63936674 5.65702141 23.04334454 11.73243234 34.43856812 17.86322021 C35.36229721 18.36018402 35.36229721 18.36018402 36.3046875 18.8671875 C37.24038071 19.37067719 37.24038071 19.37067719 38.19497681 19.88433838 C44.81304678 23.44253132 51.45076685 26.96346786 58.08935547 30.48318481 C69.44314431 36.50305543 80.77931786 42.55339677 92.08276367 48.66748047 C98.24394702 51.99502728 104.42365058 55.28357522 110.62109375 58.54296875 C112.09964849 59.32219141 113.57816424 60.10148805 115.05664062 60.88085938 C117.23175337 62.02736875 119.40775683 63.17196464 121.5871582 64.31030273 C123.60104655 65.36220082 125.61133588 66.42070579 127.62109375 67.48046875 C128.7805249 68.08785889 129.93995605 68.69524902 131.13452148 69.32104492 C133.53302785 70.72638941 135.20508375 71.91382268 137 74 C135.37114514 74.90634237 133.74222366 75.812565 132.11328125 76.71875 C131.04279541 77.31429687 129.97230957 77.90984375 128.86938477 78.5234375 C126.47660617 79.85385486 124.08245183 81.18175245 121.68725586 82.5078125 C115.74743328 85.79774885 109.81426465 89.09742389 103.90913391 92.44934082 C101.27019642 93.94550677 98.62599748 95.43221732 95.98104858 96.91772461 C94.70401107 97.6381162 93.42943176 98.36288327 92.15737915 99.09204102 C90.37274831 100.11432148 88.58019048 101.12113109 86.78515625 102.125 C85.76301025 102.70507812 84.74086426 103.28515625 83.68774414 103.8828125 C81 105 81 105 78.82568359 104.90820312 C76.48748985 103.7450471 75.51105343 102.47432749 74.00390625 100.34375 C73.45234863 99.57756348 72.90079102 98.81137695 72.33251953 98.02197266 C71.74841309 97.18972168 71.16430664 96.3574707 70.5625 95.5 C69.3021427 93.74641652 68.04039618 91.99383077 66.77734375 90.2421875 C66.14296387 89.35756836 65.50858398 88.47294922 64.85498047 87.56152344 C62.17770598 83.86450265 59.41086145 80.24052581 56.625 76.625 C55.55336822 75.22917987 54.48175401 73.83334625 53.41015625 72.4375 C52.86117676 71.72335937 52.31219727 71.00921875 51.74658203 70.2734375 C42.67753605 58.468719 33.67934412 46.61982876 24.8762207 34.61523438 C19.11077913 26.76314932 13.17925923 19.04927302 7.1640625 11.38671875 C6.46458496 10.49025635 6.46458496 10.49025635 5.75097656 9.57568359 C4.85346061 8.42560194 3.95194356 7.27862826 3.04589844 6.13525391 C0 2.22524465 0 2.22524465 0 0 Z " fill="#FCFCFC" transform="translate(1915,629)"/>
<path d="M0 0 C1.40522961 2.81045922 0.53941565 4.00879694 -0.44140625 6.9609375 C-0.77470947 7.97945801 -1.1080127 8.99797852 -1.45141602 10.04736328 C-1.81807373 11.1454834 -2.18473145 12.24360352 -2.5625 13.375 C-3.31394573 15.67140242 -4.0639299 17.96828359 -4.8125 20.265625 C-5.37324219 21.98168945 -5.37324219 21.98168945 -5.9453125 23.73242188 C-7.38039813 28.17852978 -8.73478289 32.64584396 -10.0625 37.125 C-10.30057373 37.92583008 -10.53864746 38.72666016 -10.78393555 39.55175781 C-11.27074815 41.1893817 -11.75731883 42.82707752 -12.24365234 44.46484375 C-13.60367313 49.02341569 -14.98918646 53.57421465 -16.375 58.125 C-16.66439453 59.07560303 -16.95378906 60.02620605 -17.25195312 61.00561523 C-19.84233299 69.50299644 -22.45981897 77.99197862 -25.07836914 86.48071289 C-27.42989252 94.11526803 -29.7441571 101.76021647 -32.01000977 109.4206543 C-33.56515572 114.65180717 -35.24543271 119.83237613 -37 125 C-48.14172071 124.78832655 -58.88574311 122.90951595 -69.83544922 120.94970703 C-80.85471848 118.98651208 -91.89746776 117.40639698 -103 116 C-101.19974154 112.13869556 -98.71908292 109.3201969 -95.8125 106.25 C-94.80658908 105.17122762 -93.80137925 104.09180107 -92.796875 103.01171875 C-92.31154297 102.4914209 -91.82621094 101.97112305 -91.32617188 101.43505859 C-89.70049666 99.67590562 -88.12573605 97.8772468 -86.5625 96.0625 C-82.93787911 91.87890143 -79.16614933 87.8356539 -75.40258789 83.77758789 C-72.72598962 80.88635872 -70.07688821 77.98110596 -67.5 75 C-64.41102693 71.42648214 -61.21157787 67.96288886 -58 64.5 C-54.21115843 60.41431269 -50.47828053 56.29606631 -46.83203125 52.08203125 C-44.00135739 48.86508207 -41.09232984 45.7202932 -38.19165039 42.56665039 C-33.75763061 37.74396118 -29.37474091 32.87650331 -25 28 C-23.50028872 26.33307353 -22.00028679 24.66640851 -20.5 23 C-19.76007813 22.17757812 -19.02015625 21.35515625 -18.2578125 20.5078125 C-16.73291756 18.81407106 -15.20684598 17.12138831 -13.6796875 15.4296875 C-9.07458647 10.32505009 -4.50867584 5.19005129 0 0 Z " fill="#FCFCFC" transform="translate(1736,663)"/>
<path d="M0 0 C1.41732422 -0.01945679 1.41732422 -0.01945679 2.86328125 -0.03930664 C13.19039426 -0.0521812 23.4279411 1.11412785 33.6875 2.1875 C33.76301964 8.21164365 33.8167311 14.2354975 33.85229492 20.26000977 C33.86715795 22.29912122 33.88745419 24.33820208 33.91381836 26.37719727 C34.092854 40.60526513 33.11309154 54.16172888 30.6875 68.1875 C9.68701551 67.53549334 -11.31296811 66.86950234 -32.3125 66.1875 C-32.40903975 48.78658201 -32.4813849 31.39300593 -31.875 14 C-31.83576416 12.81438477 -31.79652832 11.62876953 -31.75610352 10.40722656 C-31.44065073 2.31565073 -31.44065073 2.31565073 -30.3125 1.1875 C-20.2566417 0.1794251 -10.09853544 0.07004128 0 0 Z " fill="#FCFCFC" transform="translate(2874.3125,1301.8125)"/>
<path d="M0 0 C7.64306985 0.87851378 15.11561554 3.36695069 22.4375 5.625 C24.13579956 6.14743286 24.13579956 6.14743286 25.8684082 6.68041992 C35.1895518 9.61469567 44.15280817 13.12560361 53.06005859 17.13134766 C56.02411092 18.45856867 59.01217668 19.72733607 62 21 C57.54851494 42.21874547 48.71501975 61.70846383 39 81 C34.89737018 80.31125839 31.20964008 79.0595581 27.3203125 77.59375 C26.67855072 77.35287659 26.03678894 77.11200317 25.37557983 76.86383057 C23.29053764 76.07984342 21.20772557 75.29011865 19.125 74.5 C17.6895173 73.95848869 16.25396997 73.41714872 14.81835938 72.87597656 C2.83934855 68.3518755 -9.09651434 63.71934785 -21 59 C-19.88682549 53.351462 -18.44387525 48.19742606 -16.1875 42.875 C-13.62216444 36.68824364 -11.43939183 30.44065832 -9.36328125 24.0703125 C-7.76096193 19.21827028 -6.0106962 14.42142577 -4.25 9.625 C-3.94392822 8.78549805 -3.63785645 7.94599609 -3.32250977 7.08105469 C-1.12225028 1.12225028 -1.12225028 1.12225028 0 0 Z " fill="#FDFDFD" transform="translate(3056,1596)"/>
<path d="M0 0 C10.67782104 4.24591578 21.00705478 9.18290004 31.375 14.125 C33.10014352 14.94425661 34.82540321 15.76326866 36.55078125 16.58203125 C49.98591527 22.96502109 49.98591527 22.96502109 56 26 C55.34096437 31.43924072 53.63229664 36.22858181 51.6875 41.3125 C51.34356201 42.21315186 50.99962402 43.11380371 50.64526367 44.04174805 C47.67926872 51.61520152 44.32462816 58.97823823 40.8125 66.3125 C40.31387451 67.35510986 39.81524902 68.39771973 39.30151367 69.47192383 C36.50287629 75.21659318 33.49605989 80.65045315 30 86 C24.42705105 85.03353544 19.59949712 82.87493754 14.4375 80.625 C13.42405518 80.18381836 12.41061035 79.74263672 11.36645508 79.28808594 C-2.28485936 73.23123959 -15.33209895 65.90076987 -28 58 C-26.73872966 53.98069278 -25.25841619 50.28735677 -23.34765625 46.53515625 C-22.56128784 44.97970093 -22.56128784 44.97970093 -21.7590332 43.39282227 C-21.19917725 42.29381592 -20.63932129 41.19480957 -20.0625 40.0625 C-15.04951897 30.14406438 -10.16382527 20.17704857 -5.42797852 10.12329102 C-5.00444092 9.22795654 -4.58090332 8.33262207 -4.14453125 7.41015625 C-3.77690674 6.62777588 -3.40928223 5.84539551 -3.03051758 5.03930664 C-2 3 -2 3 0 0 Z " fill="#FDFDFD" transform="translate(2431,3078)"/>
<path d="M0 0 C4.47643506 14.13548076 8.49315656 28.23423608 11.5 42.75 C11.75475098 43.96776123 12.00950195 45.18552246 12.27197266 46.44018555 C14.60344173 58.09017868 14.60344173 58.09017868 14 63 C9.75613169 65.82924554 5.29249974 66.6548335 0.375 67.875 C-1.21090942 68.26981567 -1.21090942 68.26981567 -2.82885742 68.67260742 C-18.01238383 72.3362858 -33.43314017 74.75625114 -49 76 C-51.92828743 65.46218184 -54.40259249 54.89356796 -56.625 44.1875 C-56.92672328 42.75057539 -57.22880577 41.31372616 -57.53125 39.87695312 C-58.10708141 37.13850674 -58.67597813 34.39876878 -59.23925781 31.65771484 C-59.70574517 29.41480291 -60.18621513 27.17467452 -60.69042969 24.93994141 C-60.88282227 24.06901855 -61.07521484 23.1980957 -61.2734375 22.30078125 C-61.52359619 21.21470581 -61.52359619 21.21470581 -61.77880859 20.10668945 C-62.04608332 17.56108948 -61.60471167 15.47379585 -61 13 C-60.1970752 12.81937012 -59.39415039 12.63874023 -58.56689453 12.45263672 C-55.45557777 11.75233607 -52.34439644 11.05143744 -49.23330688 10.35012817 C-47.83017199 10.0339176 -46.42699421 9.71789725 -45.02377319 9.40206909 C-37.44035708 7.6948903 -29.8606153 5.9751483 -22.29296875 4.19921875 C-21.1126709 3.92287598 -19.93237305 3.6465332 -18.71630859 3.36181641 C-16.48527983 2.8379039 -14.2550991 2.31036385 -12.02587891 1.77880859 C-11.02347168 1.54371582 -10.02106445 1.30862305 -8.98828125 1.06640625 C-7.68177612 0.7561853 -7.68177612 0.7561853 -6.34887695 0.43969727 C-4 0 -4 0 0 0 Z " fill="#FDFDFD" transform="translate(3027,2639)"/>
<path d="M0 0 C1.20678711 1.70800781 1.20678711 1.70800781 2.02734375 3.953125 C2.3416333 4.78956543 2.65592285 5.62600586 2.97973633 6.48779297 C3.29579834 7.39932129 3.61186035 8.31084961 3.9375 9.25 C4.27740967 10.18859863 4.61731934 11.12719727 4.9675293 12.09423828 C17.18670001 46.50062414 17.18670001 46.50062414 17 62 C10.15010546 64.10053825 3.29989336 66.20003838 -3.55053711 68.29882812 C-5.87938589 69.01245798 -8.20816274 69.72632262 -10.53686523 70.44042969 C-13.89027174 71.46872175 -17.24393875 72.49616026 -20.59765625 73.5234375 C-22.15118553 74.00011368 -22.15118553 74.00011368 -23.73609924 74.48641968 C-26.4892508 75.32925147 -29.24440229 76.16520979 -32 77 C-32.7003537 77.21779114 -33.4007074 77.43558228 -34.12228394 77.65997314 C-37.2964898 78.62120932 -39.62383428 79 -43 79 C-43.34256836 77.93676514 -43.68513672 76.87353027 -44.03808594 75.77807617 C-45.32574056 71.78343203 -46.6161015 67.78966623 -47.90722656 63.79614258 C-48.46263753 62.0769751 -49.0173421 60.35757922 -49.57128906 58.63793945 C-52.32076253 50.1041495 -55.09472636 41.60400979 -58.21777344 33.19799805 C-59.25703274 30.27775726 -60.04039963 27.32830155 -60.75 24.3125 C-60.99234375 23.29800781 -61.2346875 22.28351563 -61.484375 21.23828125 C-61.73960937 20.13033203 -61.73960937 20.13033203 -62 19 C-47.2412031 11.29203628 -31.26492967 5.56289979 -15.1875 1.3125 C-14.23415771 1.05678223 -13.28081543 0.80106445 -12.29858398 0.53759766 C-4.28726085 -1.46831971 -4.28726085 -1.46831971 0 0 Z " fill="#FDFDFD" transform="translate(2608,1079)"/>
<path d="M0 0 C7.93990563 6.78200272 15.79067737 13.63767103 23.4375 20.75 C24.15615234 21.40871094 24.87480469 22.06742188 25.61523438 22.74609375 C26.29779297 23.38160156 26.98035156 24.01710938 27.68359375 24.671875 C28.60483032 25.52410645 28.60483032 25.52410645 29.54467773 26.39355469 C31 28 31 28 32 31 C31.56180759 33.95995783 31.04431609 36.84544689 30.4453125 39.7734375 C30.26833328 40.66925537 30.09135406 41.56507324 29.90901184 42.48803711 C29.3215964 45.4518532 28.72334587 48.41337295 28.125 51.375 C27.71621032 53.42646207 27.30809685 55.47805899 26.90063477 57.52978516 C25.82818546 62.92047466 24.74656709 68.30928472 23.6630249 73.69775391 C22.56800809 79.15156864 21.48160984 84.6070985 20.39453125 90.0625 C18.27150758 100.71004113 16.13880984 111.3556195 14 122 C9.89128853 120.49110783 6.25721592 118.50942967 2.484375 116.296875 C1.8691095 115.93660217 1.25384399 115.57632935 0.61993408 115.20513916 C-0.67867819 114.44361159 -1.97628865 113.68037336 -3.27294922 112.91552734 C-5.22747088 111.76328156 -7.18570521 110.61756565 -9.14453125 109.47265625 C-15.89810954 105.51126169 -22.56095658 101.4618018 -29 97 C-27.07001091 88.94323114 -24.85823626 81.02745008 -22.375 73.125 C-19.37948874 63.49592243 -16.44504622 53.850989 -13.5625 44.1875 C-9.15239822 29.42345605 -4.59727272 14.70667378 0 0 Z " fill="#FCFCFC" transform="translate(1240,2325)"/>
<path d="M0 0 C3.04982988 2.43399885 5.24481553 5.43252724 7.53125 8.55859375 C8.05170898 9.26298584 8.57216797 9.96737793 9.10839844 10.69311523 C17.09881172 21.66493648 24.32445528 33.18308655 30.78125 45.12109375 C31.28446777 46.04643921 31.28446777 46.04643921 31.79785156 46.99047852 C33.25105682 49.75854452 34.03125 51.44382228 34.03125 54.62109375 C32.64868164 55.90454102 32.64868164 55.90454102 30.69140625 57.1875 C29.96695313 57.66791748 29.2425 58.14833496 28.49609375 58.64331055 C27.30693359 59.40575073 27.30693359 59.40575073 26.09375 60.18359375 C25.2790625 60.7144458 24.464375 61.24529785 23.625 61.79223633 C12.43461643 69.02512431 1.01826947 75.73563105 -10.84375 81.80859375 C-11.61138672 82.20780029 -12.37902344 82.60700684 -13.16992188 83.01831055 C-15.06487998 83.96600319 -17.01412672 84.80351477 -18.96875 85.62109375 C-22.99956932 84.27748731 -23.98529267 81.73304858 -25.99609375 78.2265625 C-26.38162415 77.57093826 -26.76715454 76.91531403 -27.16436768 76.23982239 C-28.41988478 74.10077517 -29.66299226 71.95478525 -30.90625 69.80859375 C-31.76183372 68.34645301 -32.61836295 66.88486514 -33.47583008 65.42382812 C-35.18197229 62.51549469 -36.8843205 59.60499474 -38.58398438 56.69287109 C-41.73096223 51.30921253 -44.9375553 45.96217015 -48.15625 40.62109375 C-49.10809086 39.03777121 -50.05991596 37.45443918 -51.01171875 35.87109375 C-51.65753906 34.79859375 -52.30335938 33.72609375 -52.96875 32.62109375 C-49.19659276 28.26378193 -44.40671826 25.63140689 -39.53125 22.68359375 C-37.64702767 21.5314262 -35.76291645 20.3790769 -33.87890625 19.2265625 C-32.90840332 18.63536621 -31.93790039 18.04416992 -30.93798828 17.43505859 C-26.10001315 14.47944642 -21.28555916 11.48602799 -16.46875 8.49609375 C-13.98124006 6.95359539 -11.4938652 5.41157306 -8.99609375 3.88574219 C-7.33889626 2.85198942 -5.72470195 1.74957657 -4.125 0.62890625 C-1.96875 -0.37890625 -1.96875 -0.37890625 0 0 Z " fill="#FDFDFD" transform="translate(3153.96875,2302.37890625)"/>
<path d="M0 0 C4.65171288 1.55057096 8.13063439 4.0857183 12 7 C12.65790527 7.49056885 13.31581055 7.9811377 13.99365234 8.48657227 C15.34779256 9.4988385 16.69984614 10.51390206 18.04980469 11.53173828 C19.83120806 12.87292004 21.62125818 14.20147051 23.4140625 15.52734375 C32.93724799 22.63710939 41.64853996 30.54840255 50 39 C48.40740581 43.93036644 45.54061257 47.62112056 42.4375 51.6875 C41.9010083 52.39648438 41.3645166 53.10546875 40.81176758 53.8359375 C36.48466589 59.49460376 31.85356746 64.78760848 27 70 C25.84957817 71.32937633 24.70355612 72.66257608 23.5625 74 C19.29447995 78.91224949 14.64080999 83.44322882 10 88 C6.57326304 86.47260916 3.94158718 84.45668829 1.0625 82.0625 C0.09183594 81.25683594 -0.87882812 80.45117188 -1.87890625 79.62109375 C-2.91997029 78.74822939 -3.96032288 77.87451587 -5 77 C-5.51804199 76.56445801 -6.03608398 76.12891602 -6.56982422 75.68017578 C-11.54062691 71.49464028 -16.49350782 67.28813831 -21.43359375 63.06640625 C-27.15665432 58.18518942 -32.90741159 53.42011316 -39 49 C-37.52920916 45.75539105 -35.68575824 43.19445505 -33.4375 40.4375 C-32.72335938 39.55835938 -32.00921875 38.67921875 -31.2734375 37.7734375 C-30.52320312 36.85820313 -29.77296875 35.94296875 -29 35 C-27.90558594 33.65808594 -27.90558594 33.65808594 -26.7890625 32.2890625 C-24.53003649 29.52274644 -22.26540999 26.76108944 -20 24 C-18.49971683 22.16689838 -16.99971592 20.33356573 -15.5 18.5 C-14.39978516 17.15615234 -14.39978516 17.15615234 -13.27734375 15.78515625 C-11.68395541 13.8364669 -10.09300977 11.88577883 -8.50390625 9.93359375 C-7.69824219 8.94488281 -6.89257812 7.95617188 -6.0625 6.9375 C-5.33160156 6.03902344 -4.60070313 5.14054687 -3.84765625 4.21484375 C-2 2 -2 2 0 0 Z " fill="#FDFDFD" transform="translate(3164,1941)"/>
<path d="M0 0 C6.5076179 3.37001641 12.46161537 7.29604271 18.46484375 11.47314453 C23.93345008 15.27744786 29.45214768 18.99977426 35 22.6875 C36.19387329 23.48136108 36.19387329 23.48136108 37.41186523 24.29125977 C39.27394198 25.52846751 41.13660216 26.76478324 43 28 C38.7462252 32.6255478 33.92139852 36.02168715 28.75 39.5625 C26.94247246 40.81346133 25.1351845 42.0647689 23.328125 43.31640625 C22.42771484 43.93789551 21.52730469 44.55938477 20.59960938 45.19970703 C16.88169349 47.77445456 13.18994626 50.38540446 9.5 53 C4.98975743 56.18868148 0.4750804 59.37091475 -4.046875 62.54296875 C-5.33392334 63.44607788 -5.33392334 63.44607788 -6.64697266 64.36743164 C-8.36742746 65.57039455 -10.09101717 66.7688877 -11.81787109 67.96264648 C-15.55804092 70.55230358 -19.24807041 73.15415613 -22.8046875 75.9921875 C-23.65885254 76.65118042 -23.65885254 76.65118042 -24.53027344 77.32348633 C-25.9992665 78.46481208 -27.44241505 79.63919757 -28.8828125 80.81640625 C-33.81878207 82.69059019 -37.22881968 80.85973426 -42 79 C-43.18754883 78.55325928 -44.37509766 78.10651855 -45.59863281 77.64624023 C-48.91906912 76.38471934 -52.22045086 75.07952636 -55.5168457 73.7565918 C-57.58681886 72.92776259 -59.66134969 72.11112715 -61.73632812 71.29492188 C-63.05497733 70.76895522 -64.3733477 70.24228883 -65.69140625 69.71484375 C-66.87935791 69.24167725 -68.06730957 68.76851074 -69.29125977 68.28100586 C-72 67 -72 67 -73 65 C-72.56171875 64.62230469 -72.1234375 64.24460937 -71.671875 63.85546875 C-67.3863012 60.13607848 -63.17415175 56.34376649 -59 52.5 C-55.0671654 48.87908198 -51.0978599 45.31041077 -47.05859375 41.80859375 C-44.5104335 39.5698875 -42.00589407 37.28589788 -39.5 35 C-36.38092989 32.15475772 -33.25244609 29.3280042 -30.0625 26.5625 C-26.6531117 23.60116273 -23.32213962 20.5583878 -20 17.5 C-13.47296213 11.4943919 -6.84171419 5.64441421 0 0 Z " fill="#FCFCFC" transform="translate(2016,1163)"/>
<path d="M0 0 C4.07429317 1.53102767 7.88396366 3.44184787 11.71484375 5.4921875 C12.35829742 5.83410629 13.0017511 6.17602509 13.66470337 6.52830505 C15.75705439 7.64122868 17.84732015 8.75800479 19.9375 9.875 C21.3924391 10.65009194 22.84743631 11.42507482 24.30249023 12.19995117 C33.28978526 16.99143554 42.24339529 21.84145915 51.17016602 26.74487305 C58.65494287 30.84369621 66.22084991 34.77803686 73.79882812 38.70117188 C80.11348453 41.98201944 86.33218396 45.39623678 92.51074219 48.92529297 C96.49052713 51.18639433 100.51462716 53.29371003 104.625 55.3125 C110.65563149 58.27659294 116.54923687 61.45045081 122.4375 64.6875 C130.07776849 68.88668633 137.75866564 72.99019012 145.5 77 C155.04276971 81.94603172 164.49000105 87.05077191 173.9140625 92.21875 C180.57801115 95.87146931 187.28436834 99.44343495 194 103 C191.23480137 104.38259932 189.90300271 103.64901512 186.92578125 102.890625 C185.87664551 102.63176514 184.82750977 102.37290527 183.74658203 102.10620117 C182.61333496 101.82365479 181.48008789 101.5411084 180.3125 101.25 C167.93241205 98.27304308 155.65089079 96.34236888 143 95 C141.90300781 94.86851563 140.80601562 94.73703125 139.67578125 94.6015625 C119.88042678 92.51189598 99.76000262 94.43154718 80 96 C79.42894531 94.84886719 78.85789062 93.69773437 78.26953125 92.51171875 C60.42088835 57.20757487 33.47959599 25.26383678 1.36328125 2.09375 C0.91339844 1.7328125 0.46351563 1.371875 0 1 C0 0.67 0 0.34 0 0 Z " fill="#FBFBFB" transform="translate(2537,961)"/>
<path d="M0 0 C3.44042803 2.68521212 6.430126 5.38567428 9.265625 8.70703125 C12.80541746 12.80042726 16.47082491 16.75493883 20.1875 20.6875 C21.51342292 22.09597575 22.83893881 23.50483478 24.1640625 24.9140625 C24.81407227 25.60532227 25.46408203 26.29658203 26.13378906 27.00878906 C28.79247657 29.84555716 31.42981108 32.70161797 34.0625 35.5625 C38.35580752 40.22643194 42.67111367 44.86907091 47 49.5 C51.32888757 54.13093042 55.64403641 58.77371071 59.9375 63.4375 C64.43099894 68.31753649 68.95854079 73.16458034 73.5 78 C78.52983821 83.35541055 83.53559591 88.73138854 88.51171875 94.13671875 C92.32337885 98.2745102 96.15824194 102.39015142 100 106.5 C104.83963091 111.67772492 109.65905855 116.8732026 114.4609375 122.0859375 C118.29051572 126.23971282 122.14225437 130.37238611 126 134.5 C130.52780847 139.3476978 135.05360701 144.19719514 139.5625 149.0625 C140.03880859 149.57425781 140.51511719 150.08601563 141.00585938 150.61328125 C144.12498883 153.98531309 147.08504116 157.45250036 150 161 C147.13436027 159.62531364 144.4863044 158.08194048 141.82421875 156.34765625 C114.32030999 138.68656515 84.92021041 127.25765038 53.20019531 119.56640625 C50.41631095 118.84973828 47.70703984 117.96488549 45 117 C44.89977539 116.38705078 44.79955078 115.77410156 44.69628906 115.14257812 C38.34591829 76.63715532 26.39538764 38.39182184 3.5234375 6.20703125 C2.13396372 4.19407565 1.02844889 2.21472905 0 0 Z " fill="#FBFBFB" transform="translate(2879,1171)"/>
<path d="M0 0 C0.33 0 0.66 0 1 0 C5.49528546 45.88827067 9.39894984 91.82722248 13.30055237 137.76901054 C13.81475512 143.82334907 14.330613 149.87754406 14.84765625 155.93164062 C15.46061744 163.11043385 16.06973125 170.28954242 16.67529297 177.46896362 C16.88942732 180.0036582 17.10457378 182.53826751 17.32080078 185.07278442 C17.61297557 188.50268382 17.90088557 191.93291337 18.1875 195.36328125 C18.2714502 196.33896057 18.35540039 197.31463989 18.44189453 198.31988525 C18.87497356 203.56863004 19.08018968 208.73331156 19 214 C17.19760312 211.29640468 16.25097315 208.96979476 15.2512207 205.91259766 C5.41255527 175.91181776 -10.71259522 148.88477481 -30.5234375 124.46362305 C-34.9639552 118.95728079 -34.9639552 118.95728079 -36 116 C-35.30004883 113.86303711 -35.30004883 113.86303711 -33.95703125 111.52734375 C-33.46541504 110.64159668 -32.97379883 109.75584961 -32.46728516 108.84326172 C-31.92120605 107.88436035 -31.37512695 106.92545898 -30.8125 105.9375 C-12.77429171 72.80123192 -3.28296434 37.48459288 0 0 Z " fill="#FBFBFB" transform="translate(3275,1861)"/>
<path d="M0 0 C1.81762695 1.37939453 1.81762695 1.37939453 3.48828125 3.1328125 C4.11283203 3.77476562 4.73738281 4.41671875 5.38085938 5.078125 C6.01830078 5.75359375 6.65574219 6.4290625 7.3125 7.125 C11.05826282 11.02892583 14.77689057 14.87397023 18.88671875 18.3984375 C24.55163246 23.26666892 29.69785564 28.6528774 34.93359375 33.97265625 C39.12419039 38.20400423 43.37602062 42.24918688 47.89257812 46.12841797 C52.26492187 50.01145634 56.3648989 54.18040406 60.5 58.3125 C61.4178125 59.21806641 62.335625 60.12363281 63.28125 61.05664062 C64.1475 61.92095703 65.01375 62.78527344 65.90625 63.67578125 C66.69322266 64.45864502 67.48019531 65.24150879 68.29101562 66.0480957 C70 68 70 68 70 70 C64.68877546 72.74214837 59.36860274 75.4657476 54.03930664 78.17260742 C52.22780985 79.0959534 50.41885823 80.02431054 48.61254883 80.95776367 C46.0151665 82.29892372 43.40915382 83.62177536 40.80078125 84.94140625 C39.99538406 85.36216934 39.18998688 85.78293243 38.36018372 86.21644592 C32.73622805 89.03037894 32.73622805 89.03037894 29.07714844 88.87939453 C26.1235436 87.62893795 24.86792979 85.86036977 22.9375 83.3125 C22.16277344 82.31863281 21.38804688 81.32476563 20.58984375 80.30078125 C20.17460449 79.76533691 19.75936523 79.22989258 19.33154297 78.67822266 C16.97645897 75.70997048 14.48163655 72.86246038 12 70 C7.69866284 65.01201375 3.49510017 59.95773209 -0.65625 54.84375 C-3.39302049 51.52313514 -6.1910295 48.25953218 -9 45 C-13.2937646 40.01751125 -17.49533621 34.97376245 -21.63671875 29.86328125 C-24.9663409 25.82921012 -28.39172266 21.87846341 -31.83984375 17.9453125 C-32.32195312 17.38972656 -32.8040625 16.83414063 -33.30078125 16.26171875 C-33.72528564 15.77662842 -34.14979004 15.29153809 -34.5871582 14.79174805 C-36.55257126 12.29923613 -38.26177982 9.65402422 -40 7 C-35.11003443 5.82922756 -30.21713082 4.67200823 -25.32104492 3.52709961 C-23.65676197 3.13593238 -21.99333371 2.74110962 -20.33081055 2.3425293 C-17.93755284 1.7694353 -15.54150452 1.20966454 -13.14453125 0.65234375 C-12.4047554 0.47219223 -11.66497955 0.29204071 -10.90278625 0.10643005 C-6.97118975 -0.79312918 -3.84397515 -1.39050958 0 0 Z " fill="#FDFDFD" transform="translate(1859,2908)"/>
<path d="M0 0 C0.99 0.495 0.99 0.495 2 1 C-20.66666667 19.41666667 -43.33333333 37.83333333 -66 56.25 C-66.66016113 56.78641113 -67.32032227 57.32282227 -68.00048828 57.87548828 C-69.33207451 58.95734112 -70.66378 60.03904718 -71.99560547 61.12060547 C-75.35666941 63.85039108 -78.71553619 66.58280217 -82.0703125 69.3203125 C-88.90086027 74.88983607 -95.76182807 80.41106848 -102.70922852 85.83422852 C-107.20708623 89.35393114 -111.63986888 92.94891244 -116.0625 96.5625 C-121.80385804 101.24810963 -127.60666132 105.82664176 -133.5 110.3203125 C-136.20116923 112.38114573 -138.88427558 114.46412306 -141.5625 116.5546875 C-142.35865723 117.17609619 -143.15481445 117.79750488 -143.97509766 118.43774414 C-145.53287203 119.65464642 -147.08988389 120.87252568 -148.64599609 122.09155273 C-153.02373642 125.50833758 -157.45718391 128.80564515 -162 132 C-160.27947952 127.87685921 -157.38758295 124.70854428 -154.5625 121.3125 C-132.28921037 93.89018935 -119.12674697 62.18210401 -108 29 C-107.31824707 28.93530518 -106.63649414 28.87061035 -105.93408203 28.80395508 C-84.00736764 26.67275015 -61.89926938 24.06092278 -41.01953125 16.70654297 C-38.76049559 15.9162082 -36.49052394 15.1630639 -34.21875 14.41015625 C-15.90126557 9.31174723 -15.90126557 9.31174723 0 0 Z " fill="#FBFBFB" transform="translate(2912,2971)"/>
<path d="M0 0 C3.40560665 1.70280333 3.97693716 5.70614967 5.23828125 9.125 C5.71430786 10.38819565 5.71430786 10.38819565 6.19995117 11.6769104 C6.8855538 13.49809435 7.56801556 15.32046309 8.24771118 17.14385986 C10.03660554 21.94230711 11.84771039 26.73236795 13.65625 31.5234375 C14.2030114 32.97464493 14.2030114 32.97464493 14.76081848 34.45516968 C18.95083028 45.5581917 23.31341623 56.59149925 27.69108582 67.621521 C28.39304568 69.39390807 29.09043438 71.16810353 29.78759766 72.94238281 C30.5235129 74.79832372 31.27436957 76.64855619 32.05224609 78.48730469 C33.67099138 82.41136967 34.66512501 84.99607345 33 89 C31.35939927 91.58160133 29.51492742 93.97208393 27.625 96.375 C26.53538404 97.78823486 25.44686984 99.20231977 24.359375 100.6171875 C23.80314453 101.33745117 23.24691406 102.05771484 22.67382812 102.79980469 C21.02266193 104.97021159 19.41796709 107.16718151 17.828125 109.3828125 C17.08248291 110.42042725 17.08248291 110.42042725 16.32177734 111.47900391 C15.36976853 112.8088603 14.42204894 114.14179949 13.47900391 115.47802734 C12.36720994 117.02100183 11.18960643 118.51618983 10 120 C9.34 120 8.68 120 8 120 C7.68885254 119.37246826 7.37770508 118.74493652 7.05712891 118.09838867 C5.58208858 115.12692669 4.10353583 112.15722416 2.625 109.1875 C1.89216797 107.70926758 1.89216797 107.70926758 1.14453125 106.20117188 C-2.06068 99.77046324 -5.35868294 93.39767835 -8.71875 87.046875 C-13.83427109 77.36848286 -18.81390688 67.62485222 -23.7265625 57.84204102 C-24.67325449 55.96039153 -25.62355794 54.08055543 -26.57714844 52.20239258 C-27.97844529 49.44214055 -29.36930177 46.67685768 -30.7578125 43.91015625 C-31.18579132 43.0717067 -31.61377014 42.23325714 -32.05471802 41.36940002 C-32.44287689 40.59015671 -32.83103577 39.81091339 -33.23095703 39.00805664 C-33.57385773 38.32812149 -33.91675842 37.64818634 -34.27005005 36.94764709 C-35 35 -35 35 -35 31 C-33.09375 28.88671875 -33.09375 28.88671875 -30.5 26.6875 C-29.11941406 25.49833984 -29.11941406 25.49833984 -27.7109375 24.28515625 C-26.81632812 23.53105469 -25.92171875 22.77695313 -25 22 C-23.70566232 20.87807409 -22.41375201 19.75333773 -21.125 18.625 C-20.17560547 17.79935547 -20.17560547 17.79935547 -19.20703125 16.95703125 C-15.85988185 13.98902797 -12.57671437 10.95147166 -9.29931641 7.90673828 C-6.29790488 5.13305449 -3.22132044 2.51463222 0 0 Z " fill="#FCFCFC" transform="translate(1206,1890)"/>
<path d="M0 0 C0 3.79536431 -1.04278286 4.61726927 -3.375 7.5625 C-17.541718 26.59279196 -27.51824152 49.60404401 -35 72 C-35.34538818 73.01827881 -35.34538818 73.01827881 -35.69775391 74.05712891 C-39.88827229 86.61023716 -42.18381866 99.53575479 -44.50683594 112.54248047 C-45 115 -45 115 -46 118 C-48.18286133 118.94799805 -48.18286133 118.94799805 -51.08203125 119.76171875 C-52.68280518 120.22650635 -52.68280518 120.22650635 -54.31591797 120.70068359 C-56.04672607 121.18915771 -56.04672607 121.18915771 -57.8125 121.6875 C-93.48794815 132.23760862 -127.61948149 149.42083139 -155 175 C-155.66 174.67 -156.32 174.34 -157 174 C-155.71416016 172.62328125 -155.71416016 172.62328125 -154.40234375 171.21875 C-146.49271848 162.73675288 -146.49271848 162.73675288 -138.8046875 154.0546875 C-136.41218226 151.33075297 -133.95594058 148.66656731 -131.5 146 C-128.46107665 142.6997517 -125.43843844 139.3905059 -122.5 136 C-119.13677362 132.12182987 -115.66664329 128.34472189 -112.19189453 124.56689453 C-107.75776372 119.74415109 -103.3748176 114.8765888 -99 110 C-96.74797293 107.49687583 -94.49507877 104.99453386 -92.2421875 102.4921875 C-90.76707382 100.85260121 -89.29308348 99.21200345 -87.8203125 97.5703125 C-83.69902232 92.9796939 -79.55126212 88.41552893 -75.375 83.875 C-72.37819989 80.61609506 -69.40085453 77.34500451 -66.5 74 C-63.13677362 70.12182987 -59.66664329 66.34472189 -56.19189453 62.56689453 C-51.75776372 57.74415109 -47.3748176 52.8765888 -43 48 C-40.74797293 45.49687583 -38.49507877 42.99453386 -36.2421875 40.4921875 C-34.76707382 38.85260121 -33.29308348 37.21200345 -31.8203125 35.5703125 C-27.69902065 30.97969204 -23.55113901 26.41564347 -19.375 21.875 C-15.17898064 17.30971939 -11.05832923 12.68790297 -7 8 C-5.68823285 6.49935908 -4.37574214 4.99935031 -3.0625 3.5 C-2.18271484 2.49453125 -2.18271484 2.49453125 -1.28515625 1.46875 C-0.86105469 0.9840625 -0.43695312 0.499375 0 0 Z " fill="#FBFBFB" transform="translate(1259,1191)"/>
<path d="M0 0 C3.80390519 3.70672513 7.31185382 7.57870831 10.75 11.625 C11.27585693 12.24109131 11.80171387 12.85718262 12.34350586 13.49194336 C16.1969428 18.0203323 19.97439687 22.60680699 23.72265625 27.22265625 C26.28203972 30.34396267 28.88589916 33.42453424 31.5 36.5 C34.85447127 40.44650481 38.17221829 44.41642072 41.4375 48.4375 C45.41828065 53.33471936 49.51376803 58.12466862 53.66381836 62.87866211 C54.63083641 63.99503163 55.57790218 65.12897742 56.50488281 66.27880859 C57.97127298 68.06466653 57.97127298 68.06466653 59.87792969 69.53759766 C62.14991774 71.67749338 63.10092598 72.98196893 64 76 C63.49154771 82.534208 60.96442363 88.83980275 58.875 95 C58.31417695 96.74496272 57.75684526 98.49105165 57.203125 100.23828125 C55.8421653 104.50628728 54.4342809 108.75610036 53 113 C48.85737999 111.07872844 45.84839032 108.30400089 42.5625 105.1875 C41.9243335 104.58800537 41.28616699 103.98851074 40.62866211 103.37084961 C33.74510295 96.85168068 27.06761289 90.12291686 20.41040039 83.3737793 C16.74765971 79.67405181 13.10307262 76.02022392 9.140625 72.640625 C3.33561188 67.66500377 -1.94415458 62.1238094 -7.3125 56.6875 C-9.45152309 54.52183822 -11.59388197 52.35955569 -13.73828125 50.19921875 C-14.46486687 49.46018562 -14.46486687 49.46018562 -15.20613098 48.70622253 C-17.38566507 46.51084625 -19.41200737 44.72532842 -22 43 C-21.40912924 37.88591174 -19.02741625 33.8343543 -16.625 29.375 C-16.18816895 28.55410889 -15.75133789 27.73321777 -15.30126953 26.88745117 C-10.42442487 17.79753061 -5.24090925 8.88368696 0 0 Z " fill="#FCFCFC" transform="translate(1186,2185)"/>
<path d="M0 0 C8.27640098 0.5528139 16.19203941 2.20580173 24.2734375 4.01953125 C25.64600509 4.322961 27.01869883 4.62582061 28.39151001 4.92814636 C31.99172421 5.72230797 35.5904652 6.52294122 39.18884277 7.32537842 C44.89647213 8.59715769 50.60621851 9.85938531 56.3161087 11.12096786 C58.38499843 11.57905561 60.45323738 12.03999782 62.52142334 12.50125122 C68.4518003 13.8187562 74.38141415 15.09980604 80.35644531 16.20068359 C81.28921295 16.37395676 82.22198059 16.54722992 83.18301392 16.72575378 C84.85230822 17.02902993 86.52408684 17.31910997 88.19857788 17.59223938 C92.69662475 18.40584975 95.29791577 19.24338624 98 23 C99.12962136 25.36153266 100.10467715 27.6254461 101.015625 30.06640625 C101.40666412 31.07936012 101.40666412 31.07936012 101.80560303 32.11277771 C102.35169976 33.5337812 102.89264977 34.95677217 103.42871094 36.3815918 C104.25028439 38.56325518 105.08857074 40.73791579 105.9296875 42.91210938 C106.45932421 44.29649632 106.98800356 45.68124999 107.515625 47.06640625 C107.8905307 48.04148888 107.8905307 48.04148888 108.27301025 49.03627014 C109.32648114 51.85141372 110 53.96508794 110 57 C102.36387485 57.1864463 94.9752052 56.45453896 87.39453125 55.57421875 C86.06684328 55.42397212 84.73909826 55.27422887 83.41130066 55.12495422 C79.91579453 54.7308851 76.42095517 54.33120454 72.92626953 53.92993164 C67.43164086 53.29974381 61.93616216 52.67701619 56.44051743 52.05575943 C55.07846354 51.90161817 53.71645614 51.7470656 52.354496 51.59209824 C44.67279757 50.71871046 36.98923694 49.88528625 29.29443359 49.13525391 C28.59275779 49.06665696 27.89108198 48.99806002 27.16814327 48.92738438 C23.80791108 48.60013315 20.44729144 48.27954786 17.08564758 47.96696472 C15.90455917 47.85387466 14.72347076 47.74078461 13.5065918 47.62426758 C12.46383591 47.5272908 11.42108002 47.43031403 10.34672546 47.33039856 C8 47 8 47 7 46 C6.70358691 44.6352718 6.461736 43.25860308 6.24389648 41.87915039 C6.10382675 41.00476822 5.96375702 40.13038605 5.81944275 39.22950745 C5.59750999 37.8029911 5.59750999 37.8029911 5.37109375 36.34765625 C5.21713638 35.37718857 5.06317902 34.40672089 4.90455627 33.40684509 C4.57906309 31.35006495 4.25554822 29.29297093 3.93383789 27.2355957 C3.44006322 24.07888673 2.94029806 20.92317224 2.43945312 17.76757812 C2.12464715 15.77349317 1.8101826 13.77935428 1.49609375 11.78515625 C1.27112465 10.36167625 1.27112465 10.36167625 1.04161072 8.90943909 C0.90469315 8.03190475 0.76777557 7.15437042 0.62670898 6.25024414 C0.50537094 5.4760463 0.3840329 4.70184845 0.25901794 3.90419006 C0 2 0 2 0 0 Z " fill="#FCFCFC" transform="translate(1435,2716)"/>
<path d="M0 0 C2.50379133 2.50379133 3.60085286 5.29273592 4.9921875 8.48828125 C5.28967392 9.16119705 5.58716034 9.83411285 5.8936615 10.52742004 C6.54564317 12.00380009 7.19546021 13.48113745 7.84341431 14.95928955 C8.89495206 17.35801382 9.95200911 19.75423796 11.01049805 22.14990234 C12.5416715 25.61649067 14.07066429 29.0840289 15.59814453 32.55224609 C19.65149676 41.75118359 23.73167161 50.93822675 27.8125 60.125 C28.23074036 61.06702271 28.64898071 62.00904541 29.07989502 62.97961426 C35.63663024 77.74396854 42.26694934 92.47380133 48.93991089 107.1859436 C55.13287577 120.8412706 61.26071723 134.52397316 67.33349609 148.2331543 C67.97228112 149.67498943 68.61111523 151.11680281 69.25 152.55859375 C69.56095612 153.26034225 69.87191223 153.96209076 70.19229126 154.68510437 C72.38235208 159.62185724 74.59224909 164.54941451 76.8125 169.47265625 C77.11644684 170.14732437 77.42039368 170.82199249 77.73355103 171.5171051 C79.15785603 174.67815403 80.58493714 177.83785428 82.01708984 180.99536133 C82.51418457 182.09775146 83.0112793 183.2001416 83.5234375 184.3359375 C83.95575684 185.29032715 84.38807617 186.2447168 84.83349609 187.22802734 C86.0470099 190.11171001 87.04831641 193.02069707 88 196 C84.93565751 193.12137524 82.29675145 190.16067673 79.75 186.8125 C76.46817326 182.52197326 72.95429091 178.51508096 69.30859375 174.53125 C67.80346443 172.88095592 66.31545987 171.21482874 64.84765625 169.53125 C48.69565484 151.07181982 28.41716978 136.06674714 7.44921875 123.49609375 C5 122 5 122 4 121 C4.35051443 117.06779214 4.84241179 113.17364501 5.36767578 109.26171875 C9.91362807 75.28489205 8.62594032 42.90794663 1.67700195 9.36181641 C1.05016515 6.24910716 0.50238686 3.13491787 0 0 Z " fill="#FBFBFB" transform="translate(3136,1486)"/>
<path d="M0 0 C0.09337406 2.36999209 0.18641031 4.73999684 0.27909851 7.11001587 C0.36266793 9.24445552 0.44676062 11.37887474 0.53132629 13.51327515 C0.76533267 19.47513689 0.98369311 25.43699049 1.17480469 31.40039062 C1.53850805 42.47326065 1.96624153 53.48990055 2.98828125 64.5234375 C4.96169966 87.44340138 4.96169966 87.44340138 1.52978516 93.66552734 C-2.40240884 98.09463044 -7.09080375 100.500718 -12.46826172 102.81542969 C-16.6758636 104.7841167 -20.26891984 107.57222458 -24 110.3125 C-30.64333263 115 -30.64333263 115 -33 115 C-33.11480713 114.11594482 -33.22961426 113.23188965 -33.34790039 112.32104492 C-36.35642833 89.20079434 -39.47617854 66.09726018 -42.67602539 43.00268555 C-42.82280228 41.94021606 -42.96957916 40.87774658 -43.12080383 39.78308105 C-43.39523521 37.79677305 -43.67062229 35.81059673 -43.94718933 33.82458496 C-44.72031024 28.22385807 -45.3995809 22.62194329 -46 17 C-39.93672535 14.4047984 -33.86726168 11.82452149 -27.79321289 9.25463867 C-25.72664351 8.37820272 -23.66152802 7.49833048 -21.59790039 6.61499023 C-18.63541024 5.34758813 -15.66795117 4.0925415 -12.69921875 2.83984375 C-11.7741301 2.44095444 -10.84904144 2.04206512 -9.8959198 1.63108826 C-9.03525406 1.27063919 -8.17458832 0.91019012 -7.2878418 0.53881836 C-6.53061325 0.21682968 -5.7733847 -0.105159 -4.99320984 -0.43690491 C-3 -1 -3 -1 0 0 Z " fill="#FCFCFC" transform="translate(1320,1618)"/>
<path d="M0 0 C1.13695313 0.25394531 2.27390625 0.50789063 3.4453125 0.76953125 C6.68243718 1.49230214 9.92101147 2.20821816 13.16015625 2.921875 C15.9255389 3.53271325 18.68021742 4.16405699 21.43359375 4.828125 C39.60849454 9.09389447 57.8901938 10.28033811 76.5 10.25 C77.68988525 10.24883682 77.68988525 10.24883682 78.90380859 10.24765015 C89.9650283 10.21629781 100.96546385 9.75506851 112 9 C108.78748902 11.14167398 105.86081328 12.23836828 102.2265625 13.5390625 C101.55530334 13.78089264 100.88404419 14.02272278 100.19244385 14.2718811 C98.75274455 14.79024654 97.31241459 15.30686307 95.871521 15.82189941 C92.0936436 17.17243901 88.3202646 18.53541889 84.546875 19.8984375 C83.80118256 20.1675293 83.05549011 20.43662109 82.28720093 20.71386719 C76.45580028 22.82300956 70.65810268 25.0117663 64.875 27.25 C57.31044906 30.16385649 49.69456543 32.88332644 42.02929688 35.51977539 C32.8592591 38.68111161 23.72655883 41.94338477 14.59490967 45.21350098 C-0.02799451 50.44995958 -14.65807741 55.66483229 -29.3125 60.8125 C-30.06774963 61.07780518 -30.82299927 61.34311035 -31.60113525 61.61645508 C-43.42914423 65.76860063 -55.27345168 69.87273274 -67.1340332 73.9309082 C-68.23448975 74.30820068 -69.33494629 74.68549316 -70.46875 75.07421875 C-71.42201172 75.39994873 -72.37527344 75.72567871 -73.35742188 76.0612793 C-76.02991992 76.97230046 -76.02991992 76.97230046 -78.65820312 78.18286133 C-81 79 -81 79 -84 78 C-82.94425781 77.41605469 -82.94425781 77.41605469 -81.8671875 76.8203125 C-53.44488233 60.71681322 -27.31062545 37.33124324 -8 11 C-7.59217285 10.44812012 -7.1843457 9.89624023 -6.76416016 9.32763672 C-4.48312394 6.23699328 -2.22843786 3.1287523 0 0 Z " fill="#FCFCFC" transform="translate(2468,3186)"/>
<path d="M0 0 C0.71414062 0.71542969 1.42828125 1.43085937 2.1640625 2.16796875 C3.98554339 3.99009056 5.81444996 5.80363867 7.6484375 7.61328125 C8.99808594 8.94939453 8.99808594 8.94939453 10.375 10.3125 C11.26960938 11.19550781 12.16421875 12.07851563 13.0859375 12.98828125 C15.91482438 15.85132754 18.53480922 18.87756013 21.16992188 21.91821289 C24.21416796 25.38116465 27.39020299 28.7171972 30.5625 32.0625 C31.97551027 33.55835778 33.38826585 35.05445617 34.80078125 36.55078125 C35.50412598 37.29537598 36.2074707 38.0399707 36.93212891 38.80712891 C44.83161695 47.18413027 52.66398391 55.62385067 60.46630859 64.09130859 C64.2544971 68.19966093 68.0609055 72.2906943 71.875 76.375 C72.45660889 76.99785889 73.03821777 77.62071777 73.63745117 78.26245117 C76.65069512 81.48817011 79.66623562 84.71172313 82.68359375 87.93359375 C102 108.57077991 102 108.57077991 102 110 C90.26759499 112.43992494 78.52048761 114.63378526 66.69262695 116.56054688 C59.41893149 117.74866861 52.18085943 119.06373921 44.94921875 120.484375 C42 121 42 121 39 121 C38.62004883 119.80479736 38.24009766 118.60959473 37.84863281 117.37817383 C28.77981839 88.86898861 19.57006187 60.40956052 10.20983791 31.99492359 C9.57551421 30.06894935 8.94168405 28.14281337 8.30799866 26.21662903 C7.53335143 23.8627076 6.75758971 21.50915251 5.98045349 19.15605164 C3.88826667 12.79819023 1.88333125 6.42294044 0 0 Z " fill="#FDFDFD" transform="translate(2403,659)"/>
<path d="M0 0 C0.99 0.495 0.99 0.495 2 1 C0.98292969 1.81791016 0.98292969 1.81791016 -0.0546875 2.65234375 C-5.7421216 7.26058329 -11.2751368 11.96370259 -16.6796875 16.90234375 C-18.6870432 18.71707441 -20.73567609 20.45391687 -22.8125 22.1875 C-37.12016794 34.74262227 -48.56990811 50.24900021 -59.1875 65.9375 C-59.84504272 66.89994629 -59.84504272 66.89994629 -60.51586914 67.88183594 C-65.85867018 75.94034175 -70.36104963 84.5250753 -75 93 C-76.13091064 92.98428955 -77.26182129 92.9685791 -78.42700195 92.95239258 C-118.16028337 92.4502987 -156.29316881 94.61846723 -193.42578125 110.1796875 C-196 111 -196 111 -199 110 C-198.39341553 109.67427002 -197.78683105 109.34854004 -197.16186523 109.01293945 C-185.92131122 102.96941547 -174.71409774 96.880356 -163.625 90.5625 C-154.39226192 85.30471453 -145.06484415 80.24396556 -135.69628906 75.23291016 C-127.57731108 70.87871265 -119.54776014 66.38418957 -111.54296875 61.82421875 C-103.74682742 57.39385981 -95.87171806 53.12147825 -87.97558594 48.87255859 C-81.14289131 45.18617929 -74.37081169 41.40528652 -67.625 37.5625 C-59.47797084 32.92306386 -51.26704019 28.42193367 -43 24 C-32.51617269 18.39175185 -22.13390923 12.62307526 -11.80078125 6.7421875 C-10.97787598 6.27522461 -10.1549707 5.80826172 -9.30712891 5.32714844 C-7.82055976 4.47201723 -6.34277201 3.60134113 -4.87646484 2.71191406 C-3.28306598 1.75250986 -1.64552028 0.86697137 0 0 Z " fill="#FBFBFB" transform="translate(1590,976)"/>
<path d="M0 0 C0.74925405 0.05602638 1.49850809 0.11205276 2.2704668 0.16977692 C4.64438331 0.3544413 7.01488888 0.56375037 9.38598633 0.78149414 C10.48972847 0.88139995 10.48972847 0.88139995 11.61576843 0.98332405 C16.90252145 1.47179574 22.18128528 2.02795524 27.46020508 2.59399414 C29.12544237 2.76982176 30.79071102 2.94535267 32.45600891 3.12060547 C35.90745733 3.48464379 39.3586192 3.85124843 42.80957031 4.2199707 C47.22146289 4.69129211 51.63387903 5.15748198 56.04649639 5.6219635 C59.46877227 5.98250795 62.89084223 6.34497494 66.31284523 6.70809937 C67.94062711 6.88074326 69.56845324 7.05297049 71.1963253 7.22476196 C73.46376614 7.46449055 75.73093696 7.70662727 77.99804688 7.94946289 C79.28357956 8.08634521 80.56911224 8.22322754 81.89360046 8.36425781 C85.07989031 8.74492476 88.2264149 9.22383445 91.38598633 9.78149414 C90.7632981 14.75011674 88.59524291 18.74538652 86.35083008 23.14477539 C85.95271622 23.93675827 85.55460236 24.72874115 85.14442444 25.54472351 C83.87640143 28.06402877 82.600081 30.57902331 81.32348633 33.09399414 C80.46030473 34.80530467 79.59766824 36.51689027 78.7355957 38.22875977 C76.62536231 42.41621815 74.50767935 46.59983123 72.38598633 50.78149414 C62.09507966 50.20697103 52.24481496 48.01177207 42.19848633 45.84399414 C39.36862952 45.23954811 36.53837414 44.63699491 33.70806885 44.03465271 C31.7241466 43.61234756 29.7403843 43.18929039 27.7567749 42.76551819 C20.15340304 41.1448234 12.53955996 39.57975106 4.92114258 38.03149414 C1.61346355 37.35590963 -1.69408988 36.67971315 -5.00161743 36.00338745 C-7.15956077 35.56385726 -9.31807249 35.12710847 -11.47714233 34.69314575 C-14.49575519 34.08578619 -17.51205817 33.46799678 -20.52807617 32.84790039 C-21.89058754 32.57810364 -21.89058754 32.57810364 -23.28062439 32.30285645 C-25.40631251 31.86071352 -27.51329039 31.33013068 -29.61401367 30.78149414 C-29.94401367 30.12149414 -30.27401367 29.46149414 -30.61401367 28.78149414 C-29.95916992 27.94489258 -29.30432617 27.10829102 -28.62963867 26.24633789 C-28.19570801 25.69083252 -27.76177734 25.13532715 -27.31469727 24.56298828 C-26.33534555 23.31811391 -25.34847871 22.07912035 -24.35473633 20.84570312 C-21.65824271 17.48246625 -19.13602576 14.10764358 -16.80932617 10.47680664 C-16.10114746 9.44052124 -16.10114746 9.44052124 -15.37866211 8.38330078 C-13.97525725 6.3778344 -13.97525725 6.3778344 -12.81811523 4.31835938 C-9.33600618 -0.60334264 -5.63547642 -0.50371888 0 0 Z " fill="#FDFDFD" transform="translate(2414.614013671875,2871.218505859375)"/>
<path d="M0 0 C-1.69927434 8.50586486 -4.26488294 16.72050411 -6.8125 25 C-7.49792831 27.24119331 -8.18208993 29.4827705 -8.86610413 31.72439575 C-9.31182122 33.18501541 -9.75789196 34.64552719 -10.20433044 36.10592651 C-11.73098187 41.10314635 -13.2282479 46.1077385 -14.6875 51.125 C-16.64115174 57.79939741 -18.62091002 64.4655597 -20.625 71.125 C-21.05945435 72.58510498 -21.05945435 72.58510498 -21.50268555 74.07470703 C-22.05671768 75.90745871 -22.62997167 77.73454064 -23.22485352 79.55444336 C-24.01978677 81.92331846 -24.01978677 81.92331846 -24.44506836 84.10375977 C-24.94140625 85.94921875 -24.94140625 85.94921875 -27 89 C-30.96418947 90.82621743 -35.06555219 91.7375326 -39.3125 92.6875 C-41.67073181 93.26497651 -44.02880607 93.8430968 -46.38671875 94.421875 C-47.52415527 94.69064453 -48.6615918 94.95941406 -49.83349609 95.23632812 C-53.80181021 96.19337412 -57.70726258 97.29163241 -61.625 98.4375 C-62.68976563 98.74558594 -63.75453125 99.05367187 -64.8515625 99.37109375 C-65.56054688 99.57863281 -66.26953125 99.78617188 -67 100 C-66.27335952 93.43288904 -65.0926661 87.01106311 -63.8125 80.53125 C-62.09117067 71.71552604 -60.41884269 62.89259805 -58.80908203 54.0559082 C-57.93766166 49.27467695 -57.04817879 44.49685153 -56.15512085 39.71961975 C-55.50168379 36.21904187 -54.85717839 32.71720825 -54.22949219 29.21191406 C-53.607652 25.74169204 -52.96439411 22.27607963 -52.30587769 18.81263733 C-51.94466835 16.88206307 -51.60600878 14.94731329 -51.26782227 13.01257324 C-51.04408936 11.85535767 -50.82035645 10.69814209 -50.58984375 9.50585938 C-50.40284912 8.48729858 -50.21585449 7.46873779 -50.02319336 6.41931152 C-49 4 -49 4 -46.58761597 2.68154907 C-43.59255929 1.89268468 -40.78690246 1.57450857 -37.6953125 1.3671875 C-35.86939575 1.24126221 -35.86939575 1.24126221 -34.0065918 1.11279297 C-32.08520386 0.99508545 -32.08520386 0.99508545 -30.125 0.875 C-28.82409424 0.79008301 -27.52318848 0.70516602 -26.18286133 0.61767578 C-17.4418226 0.07453691 -8.75569464 -0.27219776 0 0 Z " fill="#FDFDFD" transform="translate(1514,1395)"/>
<path d="M0 0 C0.99 0.495 0.99 0.495 2 1 C1.64397705 1.48130371 1.2879541 1.96260742 0.92114258 2.45849609 C-7.79676765 14.25060943 -16.43395804 26.09721619 -25 38 C-32.26544779 48.09556744 -39.57456498 58.15494195 -46.96704102 68.15795898 C-51.2817846 74.00438508 -55.5258969 79.89713824 -59.734375 85.8203125 C-63.12069818 90.57284192 -66.55741328 95.28807963 -70 100 C-73.64205457 99.41121799 -76.48890826 98.41946818 -79.74609375 96.69921875 C-80.65560791 96.22218506 -81.56512207 95.74515137 -82.50219727 95.25366211 C-83.95517212 94.47841187 -83.95517212 94.47841187 -85.4375 93.6875 C-86.94558228 92.89194702 -86.94558228 92.89194702 -88.48413086 92.08032227 C-96.63367662 87.76645455 -104.73720543 83.36714384 -112.81616211 78.92260742 C-117.17224657 76.52706846 -121.53144712 74.179245 -126 72 C-126 71.34 -126 70.68 -126 70 C-112.07352014 62.25090029 -98.14057251 54.51363067 -84.1875 46.8125 C-83.58050262 46.4773941 -82.97350525 46.14228821 -82.34811401 45.79702759 C-75.28325807 41.89777802 -68.20715357 38.02028238 -61.11376953 34.1730957 C-52.46825383 29.48349301 -43.90592251 24.67913527 -35.40991211 19.72363281 C-30.63731707 16.94067781 -25.84107501 14.22295625 -20.96875 11.6171875 C-18.4296292 10.23403486 -15.91658291 8.81714385 -13.40625 7.3828125 C-12.58842041 6.91883057 -11.77059082 6.45484863 -10.92797852 5.97680664 C-9.2868341 5.04482452 -7.64919091 4.10664583 -6.01538086 3.16186523 C-5.26651611 2.73848877 -4.51765137 2.3151123 -3.74609375 1.87890625 C-2.73567017 1.29991577 -2.73567017 1.29991577 -1.70483398 0.70922852 C-0.86094116 0.3581604 -0.86094116 0.3581604 0 0 Z " fill="#FCFCFC" transform="translate(2211,633)"/>
<path d="M0 0 C1.3375534 4.0126602 0.13182518 6.82841232 -1 10.75 C-3.38142825 19.38331302 -5.42906734 28.07168018 -7.375 36.8125 C-7.9774239 39.5105152 -8.58045669 42.20839415 -9.18359375 44.90625 C-9.33447952 45.58172379 -9.4853653 46.25719757 -9.64082336 46.95314026 C-12.05256642 57.72933432 -14.59135373 68.47618058 -17.1171875 79.22607422 C-17.97177402 82.87933704 -18.81539182 86.5349622 -19.65625 90.19140625 C-22.93375198 104.36724604 -26.35766452 118.50275038 -29.890625 132.6171875 C-30.06503176 133.31403027 -30.23943851 134.01087303 -30.41913033 134.72883224 C-32.19399698 141.81759934 -33.97359144 148.90515959 -35.76148701 155.99065208 C-39.70354887 171.61796033 -43.5285806 187.26013954 -47 203 C-47.33 203 -47.66 203 -48 203 C-48.01981934 202.19594727 -48.03963867 201.39189453 -48.06005859 200.56347656 C-48.97694468 165.05313689 -52.43910904 130.39070629 -65.80078125 97.08203125 C-66.72580376 94.70469327 -67.47542727 92.48709187 -68 90 C-66.96166016 89.06994141 -66.96166016 89.06994141 -65.90234375 88.12109375 C-53.40557225 76.80978674 -41.3711529 65.33353111 -31.31054688 51.75927734 C-29.98202909 49.97587587 -28.62639963 48.21590484 -27.265625 46.45703125 C-16.28050235 32.08888655 -7.82695262 16.2594288 0 0 Z " fill="#FCFCFC" transform="translate(3280,2271)"/>
<path d="M0 0 C-3.25429616 2.16953077 -5.79622395 2.84456604 -9.5625 3.875 C-42.54005498 13.68394669 -79.5158896 34.86976592 -102.5703125 60.90234375 C-105 63 -105 63 -107.28515625 63.0078125 C-108.18105469 62.67523437 -109.07695313 62.34265625 -110 62 C-110.60054199 61.78698242 -111.20108398 61.57396484 -111.81982422 61.35449219 C-114.0375762 60.55734734 -116.23636132 59.71688608 -118.4375 58.875 C-153.28957932 45.89532565 -186.97006554 41.20990356 -224 40 C-220.74641531 37.83094354 -218.7155923 37.41452916 -214.8984375 36.74609375 C-213.07892578 36.42415039 -213.07892578 36.42415039 -211.22265625 36.09570312 C-209.31806641 35.76989258 -209.31806641 35.76989258 -207.375 35.4375 C-206.12847656 35.21642578 -204.88195313 34.99535156 -203.59765625 34.76757812 C-198.46299831 33.87023294 -193.35259662 32.98790182 -188.1640625 32.47265625 C-184.48190768 32.10605874 -180.97587342 31.3690951 -177.37597656 30.52636719 C-172.90998733 29.53698445 -168.38924378 28.85522348 -163.875 28.125 C-161.74728947 27.77538627 -159.61968795 27.42510858 -157.4921875 27.07421875 C-156.41549805 26.89681152 -155.33880859 26.7194043 -154.22949219 26.53662109 C-149.14912635 25.69245387 -144.07394507 24.81935352 -139 23.9375 C-138.03239746 23.76935791 -137.06479492 23.60121582 -136.06787109 23.42797852 C-130.868949 22.51872402 -125.68188762 21.5650826 -120.5 20.5625 C-111.24021229 18.79735297 -101.92638747 17.35358521 -92.61523438 15.88891602 C-84.09740896 14.53888625 -75.62060693 13.02384464 -67.14990234 11.40777588 C-63.28456577 10.67463048 -59.4156537 9.96081394 -55.546875 9.24609375 C-54.74451416 9.09786163 -53.94215332 8.94962952 -53.11547852 8.79690552 C-51.48261083 8.49540251 -49.84971682 8.19404208 -48.21679688 7.89282227 C-46.56502048 7.58793678 -44.91332838 7.28259426 -43.26171875 6.97680664 C-34.68443407 5.38882707 -26.11011395 3.8097096 -17.49682617 2.42651367 C-14.0602998 1.83947822 -10.65832123 1.11604359 -7.25390625 0.3671875 C-4.80182851 -0.03228444 -2.48015091 -0.06123829 0 0 Z " fill="#FBFBFB" transform="translate(1984,877)"/>
<path d="M0 0 C-11.51746254 8.5508434 -23.22806109 16.80426203 -35 25 C-44.80062323 31.82727415 -54.58468478 38.66947276 -64.25 45.6875 C-75.92552627 54.15843153 -87.74160403 62.39044487 -100 70 C-109.46437144 59.95916567 -118.91864555 49.90933354 -128.31542969 39.80517578 C-130.05030098 37.94609776 -131.79405039 36.09565242 -133.5390625 34.24609375 C-134.65114865 33.05999613 -135.76313228 31.87380238 -136.875 30.6875 C-137.39352539 30.1419043 -137.91205078 29.59630859 -138.44628906 29.03417969 C-142 25.2264578 -142 25.2264578 -142 23 C-141.09378906 22.87882813 -140.18757813 22.75765625 -139.25390625 22.6328125 C-137.42666016 22.38144531 -137.42666016 22.38144531 -135.5625 22.125 C-134.36753906 21.96257813 -133.17257813 21.80015625 -131.94140625 21.6328125 C-129.15274294 21.18507865 -126.4745844 20.67815043 -123.73046875 20.046875 C-118.44018028 18.83699092 -113.10656105 17.98453306 -107.75 17.125 C-99.72750076 15.81522954 -91.73065866 14.41966706 -83.75 12.875 C-75.09348771 11.20260163 -66.44270245 9.62450249 -57.7109375 8.390625 C-48.13371512 7.02300859 -38.66503558 5.38645187 -29.1875 3.4375 C-3.61484754 -1.80742377 -3.61484754 -1.80742377 0 0 Z " fill="#FCFCFC" transform="translate(2678,757)"/>
<path d="M0 0 C0 3.29258084 -0.43206122 4.03831256 -2.16796875 6.7109375 C-2.64210205 7.44981201 -3.11623535 8.18868652 -3.60473633 8.94995117 C-4.38820435 10.15035034 -4.38820435 10.15035034 -5.1875 11.375 C-6.30043191 13.10746124 -7.41237776 14.84055625 -8.5234375 16.57421875 C-9.10061523 17.47188965 -9.67779297 18.36956055 -10.27246094 19.29443359 C-12.99849696 23.56378509 -15.65548542 27.87497989 -18.3125 32.1875 C-29.50248778 50.30293682 -40.81363422 68.33881151 -52.27050781 86.28662109 C-54.00477677 89.00749422 -55.73367875 91.73170335 -57.4609375 94.45703125 C-65.30516042 106.82761558 -73.26871226 119.11593187 -81.28515625 131.37548828 C-89.64699706 144.17300945 -97.86301809 157.05840565 -106 170 C-107.231173 166.30648101 -106.61635698 165.24755161 -105.3046875 161.64453125 C-104.92062744 160.55897949 -104.53656738 159.47342773 -104.14086914 158.35498047 C-103.72313232 157.18596191 -103.30539551 156.01694336 -102.875 154.8125 C-99.7488877 145.75216521 -96.99143484 136.76797362 -95.0625 127.375 C-94.87606934 126.47885986 -94.68963867 125.58271973 -94.49755859 124.65942383 C-91.47815608 109.13688616 -90.64981224 93.70914632 -90.375 77.9375 C-90.33668599 76.08787497 -90.2976273 74.23826521 -90.2578125 72.38867188 C-90.16332767 67.92590986 -90.07878824 63.46306558 -90 59 C-83.7265876 55.83035988 -77.44348027 52.70934101 -71.0534668 49.78149414 C-48.63731181 39.46356683 -29.35321501 25.72605738 -10.625 9.75 C-10.02945313 9.24227051 -9.43390625 8.73454102 -8.8203125 8.21142578 C-5.75845398 5.58014112 -2.8089054 2.90576421 0 0 Z " fill="#FBFBFB" transform="translate(3151,2657)"/>
<path d="M0 0 C4.82001412 4.37492719 7.3915162 9.8678443 10.33813477 15.56274414 C11.31202617 17.43658832 12.30851526 19.29717912 13.30664062 21.15820312 C13.93110351 22.35342792 14.55419819 23.54936876 15.17578125 24.74609375 C15.74208252 25.82560303 16.30838379 26.9051123 16.8918457 28.01733398 C18.14628601 31.39373787 18.18597298 32.64360383 17 36 C16.0104165 37.99409495 14.9425918 39.95018004 13.82421875 41.875 C13.16711914 43.01445068 12.51001953 44.15390137 11.83300781 45.32788086 C11.11792684 46.55197216 10.4027555 47.77601067 9.6875 49 C8.9546877 50.26594326 8.22259805 51.53230509 7.49121094 52.79907227 C6.02056634 55.34461529 4.54661962 57.88819646 3.06982422 60.43017578 C0.27102557 65.25139016 -2.48996822 70.09402011 -5.25 74.9375 C-6.20553613 76.60948534 -7.16126424 78.28136097 -8.1171875 79.953125 C-10.14618836 83.50352788 -12.17159971 87.05595545 -14.1953125 90.609375 C-14.99340332 92.00941772 -14.99340332 92.00941772 -15.80761719 93.43774414 C-16.811791 95.19942788 -17.81512422 96.96159119 -18.81738281 98.72436523 C-22.12996436 104.53298975 -25.53865282 110.27884645 -29 116 C-32.80389568 112.29328413 -36.31196941 108.42138794 -39.75 104.375 C-40.27005615 103.76543457 -40.7901123 103.15586914 -41.32592773 102.52783203 C-45.95938646 97.0808002 -50.53827183 91.58900132 -55 86 C-55.59683594 85.32195313 -56.19367188 84.64390625 -56.80859375 83.9453125 C-58 82 -58 82 -57.72753906 80.10717773 C-56.94264415 77.83387974 -55.97377606 76.2745973 -54.55078125 74.33984375 C-54.03966797 73.63859375 -53.52855469 72.93734375 -53.00195312 72.21484375 C-52.16567383 71.08755859 -52.16567383 71.08755859 -51.3125 69.9375 C-50.73306641 69.14601563 -50.15363281 68.35453125 -49.55664062 67.5390625 C-47.71088374 65.02122013 -45.85623758 62.51012289 -44 60 C-42.82654659 58.40775569 -41.6533645 56.81531139 -40.48046875 55.22265625 C-38.73282295 52.85051835 -36.9844425 50.47894201 -35.23364258 48.10913086 C-31.28737965 42.76428921 -27.38128058 37.3921781 -23.5 32 C-15.76845634 21.25975819 -7.94924708 10.58035663 0 0 Z " fill="#FCFCFC" transform="translate(1209,2040)"/>
<path d="M0 0 C1.13638916 0.25136719 2.27277832 0.50273437 3.44360352 0.76171875 C5.3046875 1.16777344 5.3046875 1.16777344 7.20336914 1.58203125 C8.48018555 1.86820313 9.75700195 2.154375 11.07250977 2.44921875 C12.38942037 2.7389488 13.70647669 3.02801733 15.02368164 3.31640625 C18.22894892 4.0208606 21.4325819 4.73198682 24.63500977 5.44921875 C24.03593145 8.7025095 22.9932162 10.55586311 20.86157227 13.06640625 C20.28987305 13.74832031 19.71817383 14.43023438 19.12915039 15.1328125 C18.51233398 15.85597656 17.89551758 16.57914063 17.26000977 17.32421875 C15.96963848 18.86218411 14.68059083 20.40126093 13.39282227 21.94140625 C12.75248047 22.70549805 12.11213867 23.46958984 11.45239258 24.25683594 C8.95137621 27.27391372 6.5362664 30.35257557 4.13500977 33.44921875 C-1.05367756 40.11379936 -6.42056578 46.62394166 -11.80249023 53.1328125 C-25.88055882 70.05719216 -25.88055882 70.05719216 -39.36499023 87.44921875 C-44.61880358 86.87065244 -48.69653686 85.12146765 -53.38842773 82.8515625 C-54.5076915 82.32097984 -54.5076915 82.32097984 -55.64956665 81.77967834 C-58.0164518 80.65569714 -60.37821857 79.52139914 -62.73999023 78.38671875 C-64.35033976 77.61975457 -65.96101368 76.85347112 -67.57202148 76.08789062 C-71.50680975 74.21619205 -75.4370431 72.33522919 -79.36499023 70.44921875 C-79.36499023 67.44921875 -79.36499023 67.44921875 -78.20397949 65.92071533 C-77.65963257 65.38001404 -77.11528564 64.83931274 -76.55444336 64.28222656 C-75.93960083 63.66438293 -75.3247583 63.04653931 -74.69128418 62.40997314 C-74.01641968 61.74745544 -73.34155518 61.08493774 -72.64624023 60.40234375 C-71.95494019 59.71291687 -71.26364014 59.02348999 -70.5513916 58.31317139 C-69.08193749 56.85045182 -67.60888426 55.39134057 -66.13256836 53.93554688 C-63.89510217 51.7289157 -61.66817859 49.5120986 -59.44311523 47.29296875 C-58.01143773 45.87047535 -56.57916396 44.44858177 -55.14624023 43.02734375 C-54.48756958 42.37292297 -53.82889893 41.7185022 -53.15026855 41.04425049 C-49.95210168 37.89408932 -46.70924947 34.84606572 -43.30859375 31.91479492 C-39.48448507 28.60742158 -35.97522961 25.07671774 -32.48608398 21.421875 C-31.22332021 20.12216397 -29.95962111 18.82336114 -28.69506836 17.52539062 C-26.73558805 15.51015776 -24.78215399 13.49036354 -22.84375 11.45483398 C-20.94893602 9.46919067 -19.03254264 7.50670083 -17.11108398 5.546875 C-16.53796982 4.93449478 -15.96485565 4.32211456 -15.37437439 3.69117737 C-10.38230741 -1.33472307 -6.93260953 -1.1347288 0 0 Z " fill="#FCFCFC" transform="translate(2330.364990234375,2906.55078125)"/>
<path d="M0 0 C0.10819979 7.1969947 -0.78044988 14.02501821 -1.875 21.125 C-2.0296875 22.38699219 -2.184375 23.64898438 -2.34375 24.94921875 C-3.76417909 33.87898296 -3.76417909 33.87898296 -6.97631836 36.79272461 C-9.60228679 38.14189708 -12.19528274 39.08049787 -15 40 C-17.01099913 40.83958879 -19.01732707 41.69042942 -21.01953125 42.55078125 C-23.2827527 43.47405881 -25.54714289 44.39447497 -27.8125 45.3125 C-42.07404761 51.1387095 -56.21351351 57.23526808 -70.34300232 63.37355042 C-73.20667492 64.6174447 -76.07100416 65.85982423 -78.9352417 67.10241699 C-81.00392715 68.00170719 -83.07060196 68.90551139 -85.13720703 69.80957031 C-86.41562334 70.36538795 -87.69410308 70.92105974 -88.97265625 71.4765625 C-90.090354 71.96463379 -91.20805176 72.45270508 -92.35961914 72.95556641 C-95 74 -95 74 -97 74 C-97.33 59.15 -97.66 44.3 -98 29 C-89.09105806 26.03035269 -80.25599658 23.16408294 -71.25244141 20.55322266 C-65.13685507 18.76043183 -59.05074324 16.87186066 -52.96273422 14.98806381 C-50.91551294 14.35470899 -48.86797784 13.72237902 -46.82034302 13.09036255 C-38.33724074 10.47160018 -38.33724074 10.47160018 -29.85717773 7.84301758 C-26.35721622 6.75608428 -22.85560899 5.67461055 -19.35283852 4.59676552 C-18.02974592 4.18851978 -16.70727436 3.77825541 -15.38545799 3.36589622 C-13.55048663 2.79369362 -11.7131575 2.22906863 -9.87573242 1.66479492 C-8.83446701 1.34234299 -7.7932016 1.01989105 -6.72038269 0.68766785 C-4 0 -4 0 0 0 Z " fill="#FCFCFC" transform="translate(1423,1524)"/>
<path d="M0 0 C4.31861618 1.29574448 7.89193859 2.95399829 11.7265625 5.31640625 C12.82653564 5.98953857 13.92650879 6.6626709 15.05981445 7.35620117 C16.24824371 8.09157905 17.43663795 8.82701353 18.625 9.5625 C19.869644 10.32656634 21.11468721 11.08998273 22.36010742 11.8527832 C24.94946006 13.43939786 27.53707101 15.02879853 30.12353516 16.62011719 C34.41884783 19.26030969 38.72611776 21.88055935 43.04032898 24.48974609 C45.96473903 26.25880967 48.88255984 28.03695314 51.78686523 29.83886719 C57.36671907 33.28753679 62.96439531 36.54332734 68.8359375 39.4765625 C83.6521742 47.09599184 83.6521742 47.09599184 86.06445312 52.29345703 C87.26407094 57.41623174 86.91492167 62.3231668 86.27246094 67.50488281 C85.84441069 71.42484114 85.98435083 75.3139614 86.0625 79.25 C86.04693646 81.50004262 86.0282811 83.75008129 86 86 C81.66454754 85.35691808 78.1762428 83.81936782 74.234375 81.9296875 C73.57642441 81.61670715 72.91847382 81.30372681 72.24058533 80.98126221 C70.81866049 80.30445621 69.39787491 79.62525255 67.9781189 78.94390869 C64.15919158 77.11183204 60.33145595 75.29835212 56.50390625 73.484375 C55.71655594 73.11083893 54.92920563 72.73730286 54.11799622 72.35244751 C46.01618748 68.517489 37.8568492 64.81331497 29.6875 61.125 C17.38530651 55.56569763 5.15454929 49.87677298 -7 44 C-6.23708718 29.13439402 -2.94357056 14.55836837 0 0 Z " fill="#FCFCFC" transform="translate(1266,2472)"/>
<path d="M0 0 C1.08693602 0.00886356 1.08693602 0.00886356 2.19583035 0.01790619 C2.95449618 0.02133781 3.71316202 0.02476944 4.49481773 0.02830505 C13.71970357 0.09623877 22.93512236 0.43588293 32.15310574 0.77767181 C34.0345202 0.84519728 35.91594437 0.91245288 37.79737759 0.97945404 C42.6881072 1.15433097 47.57869858 1.33280974 52.46926785 1.51210785 C57.484243 1.69530562 62.49934359 1.87500156 67.51443386 2.05501556 C77.3094797 2.40710854 87.10438271 2.76301689 96.89919949 3.12142181 C96.4635593 4.41066811 96.4635593 4.41066811 96.01911831 5.72595978 C95.31033342 7.87491213 94.63259025 10.03456806 93.99839687 12.20670319 C91.24519686 20.97592731 87.62050307 30.55040503 79.89919949 36.12142181 C67.6302731 41.75630057 51.85257796 40.60597167 38.65865993 40.75673676 C33.54414935 40.84361972 28.43691454 41.08235325 23.32693386 41.30696869 C9.52317135 41.87896056 -4.28448088 42.20465805 -18.10080051 42.12142181 C-16.08980011 33.60301507 -13.69674569 25.23198916 -11.08419895 16.8809433 C-10.4650269 14.89944364 -9.85296606 12.91583535 -9.24142551 10.93196869 C-5.84024964 0.00203098 -5.84024964 0.00203098 0 0 Z " fill="#FCFCFC" transform="translate(1546.1008005142212,1336.8785781860352)"/>
<path d="M0 0 C0.33 0 0.66 0 1 0 C4.02504304 33.05823779 7.03281533 66.11812753 9.97381592 99.18395996 C10.24036857 102.17977313 10.50837971 105.17545031 10.77764893 108.17102051 C11.09561057 111.70922962 11.41055202 115.24769484 11.72318268 118.78637886 C11.89291536 120.69947732 12.06563963 122.61230962 12.23846436 124.52513123 C12.72239676 130.03771792 13.14256844 135.46561458 13 141 C-4.93256264 132.14502424 -22.56183519 122.79203998 -40 113 C-39.40478696 107.19448818 -37.8161168 102.16781628 -35.7890625 96.7109375 C-35.46500931 95.82242096 -35.14095612 94.93390442 -34.80708313 94.01846313 C-33.75316942 91.13477216 -32.6893016 88.25487141 -31.625 85.375 C-30.89352488 83.38036843 -30.1624892 81.38557565 -29.43188477 79.390625 C-24.91002631 67.06740932 -20.29906236 54.77974041 -15.60546875 42.52099609 C-12.70192763 34.92035376 -9.94427103 27.28134058 -7.29443359 19.58886719 C-5.02024386 12.99526212 -2.56818103 6.48554473 0 0 Z " fill="#FBFBFB" transform="translate(3213,1168)"/>
<path d="M0 0 C2.0133322 0.82812148 3.99497404 1.73592718 5.9453125 2.703125 C7.08991943 3.26451172 8.23452637 3.82589844 9.41381836 4.40429688 C10.0174118 4.70456787 10.62100525 5.00483887 11.2428894 5.31420898 C14.49102672 6.92919257 17.75226603 8.51738842 21.01171875 10.109375 C21.68008255 10.43663574 22.34844635 10.76389648 23.0370636 11.10107422 C29.62941557 14.32304309 36.27566006 17.42446168 42.9375 20.5 C44.06140137 21.01941162 45.18530273 21.53882324 46.34326172 22.07397461 C48.66148628 23.14514858 50.97984782 24.21602616 53.29833984 25.28662109 C60.12443576 28.4428076 66.93612606 31.63004147 73.75 34.8125 C75.08584796 35.43621539 76.42170385 36.0599138 77.75756836 36.68359375 C80.8385207 38.12209232 83.91931236 39.5609346 87 41 C85.35503261 45.15125625 82.34271245 47.99807357 79.2578125 51.11328125 C78.41064163 51.97399483 78.41064163 51.97399483 77.5463562 52.85209656 C76.35378977 54.05913623 75.15842146 55.26341323 73.96044922 56.46508789 C72.12604751 58.31144566 70.3111236 60.1756365 68.49609375 62.04101562 C67.33448555 63.21208154 66.17176243 64.38204281 65.0078125 65.55078125 C64.46601349 66.11211258 63.92421448 66.67344391 63.36599731 67.25178528 C59.59005704 70.98305849 59.59005704 70.98305849 57.01025391 71.05712891 C54.2430036 69.60191955 51.52352293 68.12284823 48.828125 66.53515625 C48.23352982 66.18639938 47.63893463 65.83764252 47.02632141 65.47831726 C45.09776643 64.34490585 43.17377898 63.20399603 41.25 62.0625 C39.91799909 61.27682878 38.58588604 60.49134768 37.25366211 59.70605469 C30.02522647 55.43595376 22.84441589 51.10258905 15.75585938 46.60327148 C10.32007671 43.16384817 4.79278197 39.88860991 -0.75 36.625 C-1.67047119 36.08149902 -2.59094238 35.53799805 -3.53930664 34.97802734 C-8.29941729 32.16974906 -13.06903291 29.37930342 -17.8515625 26.609375 C-19.69285751 25.5315048 -21.53400906 24.45338947 -23.375 23.375 C-24.24350586 22.87822754 -25.11201172 22.38145508 -26.00683594 21.86962891 C-26.79606445 21.40476074 -27.58529297 20.93989258 -28.3984375 20.4609375 C-29.44523682 19.85451416 -29.44523682 19.85451416 -30.51318359 19.23583984 C-31.00383301 18.8280127 -31.49448242 18.42018555 -32 18 C-32 17.01 -32 16.02 -32 15 C-28.62403013 12.31102165 -24.90194261 10.13035954 -21.22119141 7.8828125 C-19.39060291 6.75957386 -17.58028971 5.60798322 -15.76953125 4.453125 C-14.60528612 3.73256309 -13.43995331 3.01375507 -12.2734375 2.296875 C-11.21560059 1.64041992 -10.15776367 0.98396484 -9.06787109 0.30761719 C-5.38803329 -1.26083827 -3.80274494 -1.1167681 0 0 Z " fill="#FDFDFD" transform="translate(2136,2939)"/>
<path d="M0 0 C2.83153076 2.83153076 4.01362103 6.30458166 5.5703125 9.93359375 C6.10021538 11.15194664 6.10021538 11.15194664 6.64082336 12.39491272 C7.40548746 14.15340836 8.16819166 15.91275724 8.9291687 17.67285156 C10.95587905 22.35841348 12.99864282 27.03694574 15.04296875 31.71484375 C15.45847488 32.6659201 15.87398102 33.61699646 16.30207825 34.59689331 C20.24928615 43.60995764 24.32328478 52.56219618 28.4375 61.5 C34.30380275 74.25655819 40.04525554 87.05968378 45.65722656 99.93066406 C47.13526314 103.30918695 48.62518759 106.68230863 50.1171875 110.0546875 C50.88712036 111.79661377 50.88712036 111.79661377 51.67260742 113.57373047 C52.66376994 115.81546693 53.65607465 118.05669882 54.6496582 120.29736328 C55.08882568 121.2923584 55.52799316 122.28735352 55.98046875 123.3125 C56.37129639 124.19550781 56.76212402 125.07851563 57.16479492 125.98828125 C58 128 58 128 58 129 C51.90190918 129.23583777 46.24359873 128.3208839 40.25 127.25 C29.71041949 125.42123321 19.15087553 123.80739938 8.55957031 122.30761719 C7.46999023 122.15067383 6.38041016 121.99373047 5.2578125 121.83203125 C4.2898877 121.69514893 3.32196289 121.5582666 2.32470703 121.41723633 C0 121 0 121 -2 120 C-1.01 60.6 -1.01 60.6 0 0 Z " fill="#FDFDFD" transform="translate(2851,849)"/>
<path d="M0 0 C0.79656006 0.47542236 1.59312012 0.95084473 2.41381836 1.44067383 C3.41904541 2.00028809 4.42427246 2.55990234 5.45996094 3.13647461 C6.5649292 3.79631348 7.66989746 4.45615234 8.80834961 5.13598633 C9.40056808 5.48829315 9.99278656 5.84059998 10.60295105 6.20358276 C12.47943019 7.32092678 14.35289787 8.44321061 16.22631836 9.56567383 C17.50411691 10.32772173 18.78210977 11.08944392 20.06030273 11.85083008 C23.18039834 13.71034806 26.29781435 15.5743057 29.41381836 17.44067383 C26.68961436 20.33034857 23.99531052 22.50563095 20.61694336 24.58520508 C19.67077148 25.17172852 18.72459961 25.75825195 17.74975586 26.36254883 C16.2222168 27.2984082 16.2222168 27.2984082 14.66381836 28.25317383 C12.48143782 29.6032906 10.29914866 30.95355509 8.11694336 32.30395508 C6.44341797 33.33576904 6.44341797 33.33576904 4.73608398 34.38842773 C-0.3844801 37.5515275 -5.48491583 40.74658101 -10.58618164 43.94067383 C-12.56261525 45.17655706 -14.53917856 46.4122329 -16.51586914 47.64770508 C-17.50296875 48.26468262 -18.49006836 48.88166016 -19.50708008 49.51733398 C-22.7434252 51.53889495 -25.98109712 53.55831832 -29.21899414 55.57739258 C-30.30567383 56.25543945 -31.39235352 56.93348633 -32.51196289 57.63208008 C-34.58962321 58.92839805 -36.66772316 60.22401179 -38.74633789 61.51879883 C-40.15592773 62.39858398 -40.15592773 62.39858398 -41.59399414 63.29614258 C-42.9054541 64.11091064 -42.9054541 64.11091064 -44.2434082 64.94213867 C-46.22553649 66.20999022 -48.11725824 67.54205598 -50.01586914 68.92895508 C-52.58618164 70.44067383 -52.58618164 70.44067383 -54.54589844 70.20629883 C-56.82963577 69.34931663 -58.04870397 68.38852775 -59.80102539 66.70239258 C-60.39890869 66.13496338 -60.99679199 65.56753418 -61.61279297 64.98291016 C-62.55868286 64.06481567 -62.55868286 64.06481567 -63.52368164 63.12817383 C-64.85912448 61.85421759 -66.19507196 60.58079016 -67.53149414 59.30786133 C-68.20470703 58.66300781 -68.87791992 58.0181543 -69.5715332 57.35375977 C-73.17611277 53.93089434 -76.8611957 50.59471868 -80.54882812 47.26171875 C-82.92835891 45.08552761 -84.78547809 43.14172915 -86.58618164 40.44067383 C-74.17927126 34.18366244 -61.75859521 27.96525182 -49.18994141 22.03833008 C-43.6260491 19.40520264 -38.10232941 16.70826222 -32.60350037 13.94213867 C-29.23676878 12.25009642 -25.86341397 10.57147245 -22.48983765 8.89312744 C-20.81036794 8.05297707 -19.13406983 7.20645513 -17.46109009 6.35345459 C-15.10173658 5.15132055 -12.73226197 3.97177813 -10.35961914 2.79614258 C-9.29385399 2.24244743 -9.29385399 2.24244743 -8.20655823 1.67756653 C-5.23484097 0.22768079 -3.29648214 -0.71294634 0 0 Z " fill="#FCFCFC" transform="translate(2043.586181640625,2939.559326171875)"/>
<path d="M0 0 C2.02508515 2.08076766 3.85732663 4.13453957 5.6875 6.375 C6.21061768 7.00188721 6.73373535 7.62877441 7.27270508 8.2746582 C8.34092894 9.5577313 9.40498616 10.84428483 10.46484375 12.13427734 C11.8816516 13.85616754 13.3125201 15.56489507 14.75 17.26953125 C20.86216667 24.5865 20.86216667 24.5865 22 28 C21.23373291 28.17015625 20.46746582 28.3403125 19.67797852 28.515625 C4.48114454 31.89844722 -10.68807133 35.36860969 -25.8125 39.0625 C-36.09754844 41.56965862 -46.38265845 44.07511561 -56.6875 46.5 C-57.75009033 46.75531494 -58.81268066 47.01062988 -59.9074707 47.27368164 C-62.59739074 47.90124882 -65.2911791 48.46146259 -68 49 C-69.64935547 49.38671875 -69.64935547 49.38671875 -71.33203125 49.78125 C-74.70687537 48.79300868 -75.08924741 47.7880841 -76.9140625 44.83984375 C-77.96087308 42.90293689 -78.98797898 40.9553092 -80 39 C-81.2141117 36.81267177 -82.43033951 34.62651707 -83.6484375 32.44140625 C-84.89315748 30.14981125 -86.13531516 27.85682277 -87.375 25.5625 C-88.02208477 24.38083164 -88.66921993 23.19919087 -89.31640625 22.01757812 C-89.92097656 20.89931641 -90.52554687 19.78105469 -91.1484375 18.62890625 C-91.97093994 17.1140564 -91.97093994 17.1140564 -92.81005859 15.56860352 C-94 13 -94 13 -94 10 C-70.73457084 7.02974201 -47.45823651 4.20511999 -24.14746094 1.61254883 C-23.24510712 1.51168472 -22.3427533 1.41082062 -21.41305542 1.30690002 C-19.73103235 1.11906943 -18.04885261 0.93263406 -16.3664856 0.74790955 C-13.10910154 0.38412584 -9.92277066 -0.01464832 -6.69970703 -0.62597656 C-4.00814195 -0.998872 -2.49685356 -1.0242979 0 0 Z " fill="#FCFCFC" transform="translate(1769,2881)"/>
<path d="M0 0 C-0.30582699 4.48546256 -1.32385398 8.00303304 -3.125 12.125 C-5.98957455 18.7010668 -8.21290697 25.43823839 -10.41259766 32.26220703 C-10.69022949 33.11669434 -10.96786133 33.97118164 -11.25390625 34.8515625 C-11.49439697 35.60260254 -11.7348877 36.35364258 -11.98266602 37.12744141 C-12.87958996 39.66000852 -13.84972125 42.13679454 -14.85668945 44.62695312 C-17.05347007 50.07688493 -19.05946839 55.58529379 -21.0390625 61.1171875 C-21.79163606 63.20834435 -22.54424113 65.29948986 -23.296875 67.390625 C-24.46725403 70.64913391 -25.63681212 73.90793519 -26.80566406 77.16699219 C-27.94388823 80.33864102 -29.08508206 83.50920944 -30.2265625 86.6796875 C-30.57554596 87.65573944 -30.92452942 88.63179138 -31.28408813 89.63742065 C-31.61137909 90.54581696 -31.93867004 91.45421326 -32.27587891 92.39013672 C-32.56137604 93.18604218 -32.84687317 93.98194763 -33.14102173 94.80197144 C-33.97777201 96.94312107 -34.9380365 98.96248443 -36 101 C-49.37684533 99.95786601 -62.70607752 98.83768928 -76 97 C-73.74946253 89.51383717 -70.56531717 82.81905287 -67 75.875 C-65.81610835 73.53857046 -64.63384311 71.20131615 -63.453125 68.86328125 C-62.86595703 67.70135254 -62.27878906 66.53942383 -61.67382812 65.34228516 C-59.30441756 60.61106715 -57.01930141 55.84234152 -54.75 51.0625 C-54.32444824 50.17264404 -53.89889648 49.28278809 -53.46044922 48.3659668 C-51.27385166 43.79202584 -49.09786222 39.21350852 -46.94824219 34.62207031 C-45.06818819 30.60714856 -43.17148105 26.60040511 -41.26623535 22.59738159 C-40.50917854 20.99874791 -39.75804998 19.39729252 -39.01306152 17.79299927 C-37.96388385 15.53550196 -36.89450667 13.28864703 -35.8203125 11.04296875 C-35.50919525 10.36074249 -35.198078 9.67851624 -34.87753296 8.97561646 C-33.43049202 5.99879872 -32.427313 4.23961437 -29.50219727 2.59936523 C-25.96574786 1.75225983 -22.42203551 1.26360258 -18.8125 0.875 C-17.68726929 0.74762451 -17.68726929 0.74762451 -16.53930664 0.61767578 C-10.99854815 0.02425762 -5.57469122 -0.17697432 0 0 Z " fill="#FCFCFC" transform="translate(2605,2780)"/>
<path d="M0 0 C-1.57962056 13.67765567 -3.27842792 27.33954978 -5 41 C-32.40909626 45.27904191 -59.93951596 48.67096054 -87.5 51.8125 C-89.09908203 51.99824585 -89.09908203 51.99824585 -90.73046875 52.18774414 C-96.19391016 52.79434683 -101.50306746 53.12433538 -107 53 C-105.10702069 46.20754483 -102.8151793 39.61127733 -100.375 33 C-100.06167725 32.15074951 -99.74835449 31.30149902 -99.42553711 30.42651367 C-97.14179887 24.28359773 -97.14179887 24.28359773 -96 22 C-93.47857961 21.15952654 -91.01090327 20.45946289 -88.4375 19.8125 C-87.6110498 19.59964355 -86.78459961 19.38678711 -85.93310547 19.16748047 C-76.50799604 16.79221109 -66.99925809 14.78204774 -57.49853516 12.73657227 C-45.77955603 10.20722135 -34.13226099 7.43252553 -22.48828125 4.578125 C-17.94746521 3.46956897 -13.40460882 2.37081159 -8.85546875 1.296875 C-7.80383545 1.04776367 -6.75220215 0.79865234 -5.66870117 0.54199219 C-3 0 -3 0 0 0 Z " fill="#FCFCFC" transform="translate(2741,2704)"/>
<path d="M0 0 C1.9835382 3.45345787 2.7063597 6.81447641 3.47265625 10.70703125 C3.60063095 11.35065109 3.72860565 11.99427094 3.86045837 12.65739441 C4.12948564 14.01593637 4.3957523 15.37502757 4.65942383 16.73461914 C5.05935657 18.79629543 5.46736218 20.85623869 5.87695312 22.91601562 C7.06296651 28.92932114 8.17243947 34.92458937 9 41 C8.11554199 41.42708252 7.23108398 41.85416504 6.31982422 42.29418945 C-14.70960102 52.43729489 -14.70960102 52.43729489 -35.625 62.8125 C-51.59952498 70.85316635 -67.77575245 78.4781347 -84 86 C-84.24857661 81.42886736 -84.42922838 76.86171502 -84.54931641 72.28540039 C-84.59939063 70.73196883 -84.66748156 69.17900369 -84.75439453 67.62719727 C-85.45376407 54.81227893 -85.45376407 54.81227893 -82.0546875 50.57495117 C-79.45647357 48.73043109 -76.88037567 47.35611146 -74 46 C-72.46506565 45.07580896 -70.93855685 44.13744315 -69.421875 43.18359375 C-67.86624963 42.26540021 -66.30889425 41.35013266 -64.75 40.4375 C-57.54196117 36.1655673 -50.42774372 31.77356782 -43.375 27.25 C-33.87306184 21.15644035 -24.28389873 15.21704519 -14.65380859 9.32910156 C-9.70892072 6.30199417 -4.78593536 3.27371273 0 0 Z " fill="#FCFCFC" transform="translate(2905,2455)"/>
<path d="M0 0 C1.62154886 4.81429996 3.23873152 9.63003922 4.85229492 14.44702148 C5.39901828 16.07728309 5.94682773 17.70718095 6.49584961 19.33666992 C9.337897 27.77424234 12.11093792 36.21388816 14.578125 44.76953125 C16.81542292 52.52766804 19.37575162 60.13408574 22.0625 67.75 C24.56774125 74.87823621 27.05140149 82.01197939 29.37109375 89.203125 C29.70939209 90.24629883 30.04769043 91.28947266 30.39624023 92.36425781 C31 95 31 95 30 98 C28.2409668 99.31518555 28.2409668 99.31518555 25.94921875 100.63671875 C25.11052246 101.12817383 24.27182617 101.61962891 23.40771484 102.12597656 C22.51004395 102.6412793 21.61237305 103.15658203 20.6875 103.6875 C13.65414469 107.8006172 6.8038361 112.01205756 0.1171875 116.671875 C-2 118 -2 118 -4 118 C-6.24006008 110.15844655 -8.08554904 102.28433034 -9.7421875 94.30078125 C-10.11756149 92.51174629 -10.11756149 92.51174629 -10.5005188 90.68656921 C-11.2951141 86.89585424 -12.08513258 83.10420261 -12.875 79.3125 C-13.39683421 76.81959839 -13.9189674 74.32675934 -14.44140625 71.83398438 C-15.21493396 68.14294688 -15.98682705 64.45161197 -16.75311279 60.75906372 C-17.98355821 54.830477 -19.23310941 48.90760449 -20.53222656 42.99365234 C-20.88995651 41.34347359 -20.88995651 41.34347359 -21.25491333 39.65995789 C-21.70251153 37.59863788 -22.15767893 35.53894119 -22.62179565 33.48127747 C-22.81895172 32.56601791 -23.01610779 31.65075836 -23.21923828 30.70776367 C-23.48282639 29.5186866 -23.48282639 29.5186866 -23.7517395 28.30558777 C-24.19258359 24.21148203 -23.57060121 21.70855486 -20.99047852 18.50463867 C-20.12865967 17.6510376 -19.26684082 16.79743652 -18.37890625 15.91796875 C-17.44369141 14.98662109 -16.50847656 14.05527344 -15.54492188 13.09570312 C-15.05564209 12.61883057 -14.5663623 12.14195801 -14.06225586 11.65063477 C-12.56034721 10.18539978 -11.07522524 8.70462213 -9.59179688 7.22070312 C-2.28052047 0 -2.28052047 0 0 0 Z " fill="#FCFCFC" transform="translate(2920,2311)"/>
<path d="M0 0 C0.18350624 21.3779471 -0.3249149 42.71736507 -0.92712402 64.08465576 C-1.05048449 68.49060798 -1.16956331 72.89667604 -1.2890625 77.30273438 C-1.52198366 85.86860467 -1.75943967 94.43434084 -2 103 C-4.96845341 103.78629128 -7.93725059 104.57124396 -10.90625 105.35546875 C-12.14616699 105.68411926 -12.14616699 105.68411926 -13.41113281 106.01940918 C-19.09171152 107.51845078 -24.78624469 108.94548355 -30.5 110.3125 C-31.20713135 110.48285767 -31.9142627 110.65321533 -32.64282227 110.82873535 C-35.50502147 111.49977478 -38.04835561 112 -41 112 C-40.47338107 101.13275536 -39.42547825 90.42161775 -38.01574707 79.63671875 C-37.4467213 75.28258182 -36.89455878 70.92629152 -36.33984375 66.5703125 C-36.22722198 65.68958069 -36.11460022 64.80884888 -35.99856567 63.90142822 C-34.85624308 54.94121644 -33.79424284 45.97209866 -32.75 37 C-32.66736908 36.29039124 -32.58473816 35.58078247 -32.49960327 34.84967041 C-32.26533182 32.83728361 -32.03110259 30.8248919 -31.796875 28.8125 C-31.64452393 27.61391357 -31.49217285 26.41532715 -31.33520508 25.18041992 C-30.946604 22.11867873 -30.946604 22.11867873 -31.0456543 19.5012207 C-31.05859375 17.42578125 -31.05859375 17.42578125 -30 14 C-26.71190246 11.44800849 -23.11019494 9.85095316 -19.3125 8.1875 C-18.31798828 7.72408203 -17.32347656 7.26066406 -16.29882812 6.78320312 C-14.38317485 5.89229053 -12.46163356 5.01389989 -10.53369141 4.14990234 C-8.46111341 3.20927386 -6.43699229 2.22425018 -4.41796875 1.17578125 C-2 0 -2 0 0 0 Z " fill="#FCFCFC" transform="translate(2802,2571)"/>
<path d="M0 0 C3.39121482 1.6261574 6.0373945 3.52583332 8.9375 5.9375 C10.39349609 7.14599609 10.39349609 7.14599609 11.87890625 8.37890625 C12.91997029 9.25177061 13.96032288 10.12548413 15 11 C15.51804199 11.43554199 16.03608398 11.87108398 16.56982422 12.31982422 C20.9465917 16.00516777 25.30631088 19.71052215 29.66601562 23.41601562 C35.22068034 28.1351961 40.78059925 32.84075049 46.4375 37.4375 C52.48230797 42.35831001 58.39773843 47.42754543 64.28710938 52.53271484 C65.50654983 53.57730394 66.73845266 54.60741923 67.97851562 55.62744141 C68.94047852 56.42480713 68.94047852 56.42480713 69.921875 57.23828125 C70.5106543 57.71950439 71.09943359 58.20072754 71.70605469 58.6965332 C73 60 73 60 73 62 C68.82657649 63.88689791 64.64578982 65.75597215 60.45727539 67.60913086 C59.03422733 68.24168666 57.61329175 68.87901767 56.19458008 69.52124023 C54.15205088 70.44484976 52.10247986 71.35088286 50.05078125 72.25390625 C49.10517082 72.68818687 49.10517082 72.68818687 48.14045715 73.13124084 C44.24222389 74.8220286 42.05322785 75.15938901 38 74 C35.84703064 72.83262634 35.84703064 72.83262634 33.67553711 71.35131836 C32.85375473 70.79661362 32.03197235 70.24190887 31.18528748 69.6703949 C30.30816605 69.06631302 29.43104462 68.46223114 28.52734375 67.83984375 C27.60844864 67.21654678 26.68955353 66.59324982 25.74281311 65.95106506 C22.80244686 63.95415215 19.8698781 61.94612 16.9375 59.9375 C14.99075096 58.61187126 13.04349044 57.28699333 11.09570312 55.96289062 C7.36389405 53.42513578 3.63455769 50.88381254 -0.09301758 48.33984375 C-4.89093107 45.06906621 -9.71307044 41.83749843 -14.55102539 38.6262207 C-18.27986424 36.15011707 -21.98903387 33.64618749 -25.6875 31.125 C-26.38810547 30.65320312 -27.08871094 30.18140625 -27.81054688 29.6953125 C-32.88476275 26.2304745 -32.88476275 26.2304745 -34 24 C-33.3608667 23.55720703 -32.7217334 23.11441406 -32.06323242 22.65820312 C-29.10375277 20.60676686 -26.14562278 18.55339231 -23.1875 16.5 C-21.68026367 15.45585938 -21.68026367 15.45585938 -20.14257812 14.390625 C-13.36259109 9.6816951 -6.65544307 4.88334201 0 0 Z " fill="#FCFCFC" transform="translate(2120,1167)"/>
<path d="M0 0 C7.8052738 1.62731196 15.47759334 3.69844761 23.16702461 5.79311752 C25.55338032 6.44316431 27.94041445 7.09066632 30.32762146 7.73757935 C35.4065351 9.11443779 40.48454151 10.49462385 45.5625 11.875 C51.43151092 13.46997834 57.30090557 15.06352892 63.17094231 16.65472794 C65.49287553 17.28473646 67.81427245 17.91669157 70.13563538 18.54879761 C71.60154909 18.94651842 73.06748533 19.34415621 74.53344727 19.74169922 C75.78537369 20.08208221 77.03730011 20.42246521 78.3271637 20.77316284 C85.20195873 22.57811672 92.10443175 24.27610794 99 26 C99 39.53 99 53.06 99 67 C87.75051293 63.62515388 87.75051293 63.62515388 82.875 61.7578125 C81.77341553 61.33798096 80.67183105 60.91814941 79.53686523 60.4855957 C78.36969971 60.03659912 77.20253418 59.58760254 76 59.125 C74.74368732 58.64447107 73.48725512 58.16425452 72.23071289 57.68432617 C69.55560945 56.66198846 66.88131504 55.63756972 64.20751953 54.61181641 C59.15465995 52.67445592 54.09701909 50.74966868 49.03742981 48.82995605 C45.38086564 47.44089 41.73004177 46.03945311 38.08911133 44.60986328 C31.96491822 42.21317127 25.92288949 39.89926595 19.578125 38.13671875 C7.50526319 34.60908435 7.50526319 34.60908435 4.72753906 29.79443359 C2.34989391 23.70418253 1.569524 17.47350353 1 11 C0.84273437 9.741875 0.68546875 8.48375 0.5234375 7.1875 C0.25361791 4.7779483 0.09235156 2.41973495 0 0 Z " fill="#FBFBFB" transform="translate(2723,1506)"/>
<path d="M0 0 C2.21573828 1.55253945 3.51081744 3.11314135 5.09033203 5.30908203 C5.95827393 6.50223022 5.95827393 6.50223022 6.84375 7.71948242 C7.44590332 8.56502686 8.04805664 9.41057129 8.66845703 10.28173828 C9.28736816 11.13823975 9.9062793 11.99474121 10.54394531 12.87719727 C11.77569941 14.58241792 13.00444605 16.28981555 14.22998047 17.99951172 C15.67446159 20.00541061 17.13526369 21.99619546 18.61376953 23.97705078 C19.69271484 25.42724609 19.69271484 25.42724609 20.79345703 26.90673828 C21.40962891 27.73302734 22.02580078 28.55931641 22.66064453 29.41064453 C23.91845703 31.34423828 23.91845703 31.34423828 23.91845703 33.34423828 C20.56053372 34.38248314 17.20239001 35.42001373 13.84423828 36.45751953 C12.78935211 36.78371277 11.73446594 37.10990601 10.64761353 37.44598389 C4.80026022 39.25241735 -1.04988805 41.04893313 -6.90551758 42.82836914 C-21.88160928 47.37524448 -21.88160928 47.37524448 -36.74668884 52.26899719 C-40.09777356 53.41588431 -43.46104941 54.52383981 -46.8265686 55.62753296 C-48.35939646 56.14291628 -49.8856399 56.67835708 -51.40414429 57.23452759 C-55.95406327 58.89751134 -60.18352088 60.26935539 -65.08154297 60.34423828 C-69.63368455 58.11788158 -72.68736278 55.0534353 -76.08154297 51.34423828 C-77.26704036 50.27046947 -78.4629807 49.20795026 -79.67529297 48.16455078 C-80.63435547 47.27509766 -81.59341797 46.38564453 -82.58154297 45.46923828 C-83.07912109 45.01033203 -83.57669922 44.55142578 -84.08935547 44.07861328 C-86.46760114 41.87841809 -88.7987454 39.64281939 -91.08154297 37.34423828 C-81.22089983 32.6346908 -71.26642556 28.24824974 -61.16156006 24.08999634 C-57.23469599 22.4737891 -53.31243469 20.84648895 -49.39013672 19.21923828 C-48.60459412 18.89353348 -47.81905151 18.56782867 -47.00970459 18.23225403 C-38.33698141 14.63023546 -29.70867434 10.92701442 -21.08862305 7.20092773 C-19.04011288 6.31695672 -16.98938975 5.43808858 -14.93603516 4.56542969 C-13.02713571 3.74877599 -11.12659891 2.91230218 -9.23486328 2.05664062 C-8.3515332 1.67072754 -7.46820312 1.28481445 -6.55810547 0.88720703 C-5.4030249 0.36743286 -5.4030249 0.36743286 -4.22460938 -0.1628418 C-2.08154297 -0.65576172 -2.08154297 -0.65576172 0 0 Z " fill="#FCFCFC" transform="translate(2322.08154296875,1193.65576171875)"/>
<path d="M0 0 C3.59575663 1.75002787 6.87603244 3.83047364 10.1875 6.0625 C10.83855713 6.49892822 11.48961426 6.93535645 12.16040039 7.38500977 C19.13089666 12.06785145 26.06821264 16.79990911 33.00683594 21.52978516 C40.13586951 26.38532043 47.28183257 31.21504484 54.4375 36.03125 C56.26961346 37.26505411 58.10172608 38.49885946 59.93383789 39.73266602 C62.68187207 41.58311959 65.43043899 43.43275729 68.18063354 45.27999878 C70.76626528 47.01675642 73.35007924 48.7561888 75.93359375 50.49609375 C76.71891479 51.02243408 77.50423584 51.54877441 78.31335449 52.09106445 C79.39465637 52.820271 79.39465637 52.820271 80.49780273 53.56420898 C81.12855209 53.98814438 81.75930145 54.41207977 82.40916443 54.84886169 C84 56 84 56 86 58 C85.61969051 62.66144705 84.11792473 66.78627142 82.49609375 71.1484375 C82.2533522 71.80582916 82.01061066 72.46322083 81.76051331 73.14053345 C80.99116304 75.22057875 80.21446646 77.2977892 79.4375 79.375 C78.91161981 80.79278726 78.38622425 82.21075437 77.86132812 83.62890625 C76.5798165 87.08803517 75.2917059 90.54466292 74 94 C69.50206646 94 69.50206646 94 66.71484375 91.47265625 C66.10761475 90.9324585 65.50038574 90.39226074 64.87475586 89.83569336 C64.23546143 89.25053955 63.59616699 88.66538574 62.9375 88.0625 C61.58440809 86.85556485 60.2302356 85.64984006 58.875 84.4453125 C58.21242188 83.85266602 57.54984375 83.26001953 56.8671875 82.64941406 C54.44491441 80.50965504 51.95304116 78.46640373 49.4375 76.4375 C45.22801285 73.02862853 41.10242906 69.53596636 37 66 C31.98966904 61.68299052 26.92100714 57.45283496 21.78515625 53.28515625 C18.05455892 50.22428748 14.37644519 47.10274076 10.72363281 43.94946289 C6.85821889 40.63633427 2.84255106 37.71368522 -1.48828125 35.0234375 C-5.71025203 29.37232416 -2.37823951 18.00056009 -1.5 11.4375 C-1.35691406 10.33341797 -1.21382812 9.22933594 -1.06640625 8.09179688 C-0.7160201 5.3938235 -0.36044731 2.6966444 0 0 Z " fill="#FCFCFC" transform="translate(2877,1747)"/>
<path d="M0 0 C1.90641901 2.85962852 2.33754472 3.96138487 2.82202148 7.20166016 C2.95233261 8.04749664 3.08264374 8.89333313 3.21690369 9.76480103 C3.35028641 10.68030731 3.48366913 11.5958136 3.62109375 12.5390625 C3.83923485 13.97045059 3.83923485 13.97045059 4.06178284 15.43075562 C4.52742626 18.49448386 4.98289613 21.55961601 5.4375 24.625 C6.0372356 28.61766337 6.64153304 32.60962743 7.24609375 36.6015625 C7.46536026 38.06459808 7.46536026 38.06459808 7.6890564 39.55718994 C8.78661121 46.81338652 10.06385782 54.02147595 11.46899414 61.22412109 C12.59046461 69.19867845 11.92956033 75.54084758 9.4296875 83.171875 C9.1611496 84.02763123 8.89261169 84.88338745 8.61593628 85.76507568 C8.04482479 87.58332749 7.46859207 89.39997767 6.88757324 91.21508789 C5.70756897 94.91755213 4.56866992 98.63215121 3.42852783 102.3470459 C2.00388029 106.98442004 0.56316708 111.61680481 -0.875 116.25 C-1.47404142 118.18226591 -2.07300009 120.11455748 -2.671875 122.046875 C-4.11363543 126.69821117 -5.5564949 131.349205 -7 136 C-7.66 136 -8.32 136 -9 136 C-9.55338542 134.56119792 -10.10677083 133.12239583 -10.66015625 131.68359375 C-11.22198608 130.22336792 -11.22198608 130.22336792 -11.79516602 128.73364258 C-12.65468296 126.49816998 -13.51321232 124.26231745 -14.37084961 122.02612305 C-16.87630309 115.49858621 -19.39589178 108.97706515 -21.94166565 102.46513367 C-23.31278687 98.95524994 -24.67800219 95.44308233 -26.04269409 91.93069458 C-26.72014814 90.19143566 -27.40024545 88.4532039 -28.08303833 86.71603394 C-29.05312103 84.24690188 -30.01377826 81.77428228 -30.97265625 79.30078125 C-31.26390381 78.56624725 -31.55515137 77.83171326 -31.85522461 77.07492065 C-35.88870956 66.59285622 -35.88870956 66.59285622 -34.03466797 61.18359375 C-33.52564941 60.27738281 -33.01663086 59.37117188 -32.4921875 58.4375 C-31.92387207 57.40471924 -31.35555664 56.37193848 -30.77001953 55.30786133 C-30.14466309 54.21626709 -29.51930664 53.12467285 -28.875 52 C-28.24062012 50.85877686 -27.60624023 49.71755371 -26.95263672 48.54174805 C-24.99113386 45.01473207 -22.99632752 41.5074228 -21 38 C-19.81688651 35.90280716 -18.63455696 33.80517182 -17.453125 31.70703125 C-15.80814793 28.79027518 -14.160628 25.87511875 -12.50463867 22.96459961 C-8.1919655 15.3840796 -4.04114984 7.72824124 0 0 Z " fill="#FCFCFC" transform="translate(1306,1967)"/>
<path d="M0 0 C4.19158949 0.58483688 7.84735431 1.55858778 11.78125 3.109375 C12.86390137 3.5319458 13.94655273 3.9545166 15.06201172 4.38989258 C16.19654785 4.83872803 17.33108398 5.28756348 18.5 5.75 C20.84584637 6.66666514 23.19219638 7.58204255 25.5390625 8.49609375 C26.65958008 8.9329248 27.78009766 9.36975586 28.93457031 9.81982422 C33.48292632 11.57091955 38.0669614 13.19555089 42.6796875 14.76953125 C45.63630191 15.86521777 48.52487697 17.04876044 51.4296875 18.2734375 C58.6363382 21.29898154 65.9363546 24.06006263 73.25 26.8125 C74.59251828 27.31947516 75.93496659 27.82663565 77.27734375 28.33398438 C80.51742878 29.55811805 83.75844142 30.77977284 87 32 C85.10694424 36.17868325 82.24895306 38.79577784 78.875 41.8125 C78.00137817 42.60599854 78.00137817 42.60599854 77.11010742 43.41552734 C73.2764051 46.88757968 69.40830071 50.32090603 65.48828125 53.6953125 C64.28385674 54.75115971 63.13257488 55.86742512 62 57 C55.43540527 56.60327991 49.16682843 54.93601858 42.8125 53.3125 C41.75804687 53.04630859 40.70359375 52.78011719 39.6171875 52.50585938 C32.02082353 50.56801142 24.48506162 48.45717186 16.9609375 46.2578125 C9.14001791 43.99105128 1.25606783 42.01261614 -6.65625 40.09179688 C-12.83504471 38.58302142 -18.92711734 36.89120053 -25 35 C-22.0337989 29.49956883 -18.59821934 24.66496386 -14.75 19.75 C-13.59403746 18.2572956 -12.43908994 16.76380461 -11.28515625 15.26953125 C-10.72586426 14.54588379 -10.16657227 13.82223633 -9.59033203 13.07666016 C-6.30295659 8.78399582 -3.14430932 4.39823329 0 0 Z " fill="#FCFCFC" transform="translate(1820,1205)"/>
<path d="M0 0 C8.65921107 0.9718777 17.22701468 3.85025439 25.625 6.125 C27.02466088 6.50159473 28.42439996 6.87789892 29.82421875 7.25390625 C33.21705281 8.16592753 36.60881591 9.08186004 40 10 C36.00800814 16.41149179 31.92794214 22.64664588 27.3125 28.625 C23.12025847 34.13571042 19.03643919 39.70479515 15.0625 45.375 C10.34292236 52.10828478 5.58868063 58.81412663 0.71948242 65.44042969 C-1.86912168 68.97483252 -4.35921197 72.51427704 -6.65625 76.24609375 C-12.38193569 85.39553552 -12.38193569 85.39553552 -16.39453125 86.89453125 C-19.37206219 86.94484283 -22.05963166 86.48834188 -25 86 C-28.28902322 85.79119568 -31.58186898 85.68784841 -34.875 85.5625 C-36.49772143 85.48718382 -38.12016172 85.40545538 -39.7421875 85.31640625 C-40.4419873 85.27974854 -41.14178711 85.24309082 -41.86279297 85.20532227 C-44.28729562 84.9723994 -46.62011856 84.51160949 -49 84 C-44.66757382 75.98055186 -40.21375284 68.03649515 -35.6875 60.125 C-35.34806366 59.53127594 -35.00862732 58.93755188 -34.65890503 58.32583618 C-3.03307749 3.03307749 -3.03307749 3.03307749 0 0 Z " fill="#FCFCFC" transform="translate(1728,1237)"/>
<path d="M0 0 C-7.5929026 9.07273498 -15.84743057 17.54170649 -24.09972286 26.010849 C-26.79566643 28.77918593 -29.47400419 31.56079039 -32.11743164 34.37939453 C-34.69538961 37.12724624 -37.31148365 39.83298484 -39.95791817 42.51489258 C-40.95078728 43.53456577 -41.92976819 44.56797705 -42.89323235 45.61547852 C-46.99398171 50.05757721 -50.4131761 53.68752754 -56.58738708 54.43333435 C-60.46510222 54.20008985 -64.17418506 53.66563834 -68 53 C-70.22778452 52.77260391 -72.45726414 52.56111529 -74.68823242 52.36743164 C-76.91101246 52.1351677 -79.13342116 51.89932594 -81.35546875 51.66015625 C-83.1405761 51.46962929 -83.1405761 51.46962929 -84.96174622 51.2752533 C-87.44481105 51.0088246 -89.92769569 50.74071126 -92.41040039 50.47094727 C-96.21616738 50.05939997 -100.02305341 49.65948979 -103.83007812 49.25976562 C-106.25528508 48.99810616 -108.68041822 48.73576146 -111.10546875 48.47265625 C-112.24082565 48.3548732 -113.37618256 48.23709015 -114.54594421 48.11573792 C-115.59836807 47.99899216 -116.65079193 47.8822464 -117.73510742 47.76196289 C-118.65805099 47.66283096 -119.58099457 47.56369904 -120.53190613 47.46156311 C-123.01046327 46.99804324 -124.81947729 46.24281849 -127 45 C-118.6633323 39.72076586 -110.32185051 34.44939394 -101.95703125 29.21484375 C-100.94552002 28.58167236 -99.93400879 27.94850098 -98.8918457 27.29614258 C-96.83220568 26.0111741 -94.76951183 24.73108812 -92.70385742 23.45581055 C-88.2737375 20.71497772 -83.88751318 17.97065701 -79.65625 14.9296875 C-70.24109391 8.25605528 -62.16826141 6.38937033 -50.77050781 5.37011719 C-46.00044064 4.90188216 -41.24851631 4.31649935 -36.4921875 3.7265625 C-28.97561171 2.79961747 -21.4588306 1.87595883 -13.9375 0.98828125 C-13.11120087 0.88846954 -12.28490173 0.78865784 -11.43356323 0.68582153 C-7.59875437 0.23677355 -3.86957789 -0.12311409 0 0 Z " fill="#FCFCFC" transform="translate(2400,2804)"/>
<path d="M0 0 C1.68819717 1.99693362 2.8507745 3.7469312 4.125 6 C4.53548584 6.68932617 4.94597168 7.37865234 5.36889648 8.08886719 C6.34527044 9.73354011 7.31280549 11.38347613 8.27392578 13.03710938 C10.25507967 16.4378567 12.26410649 19.82130907 14.27734375 23.203125 C16.69453061 27.26521764 19.11011889 31.32819288 21.515625 35.3972168 C25.62920696 42.35256405 29.76644572 49.29159927 33.97265625 56.19140625 C34.3679805 56.84005646 34.76330475 57.48870667 35.17060852 58.15701294 C37.05292761 61.24279878 38.93996056 64.32560819 40.83227539 67.40527344 C41.49864014 68.49485352 42.16500488 69.58443359 42.8515625 70.70703125 C43.43760254 71.6606958 44.02364258 72.61436035 44.62744141 73.59692383 C46 76 46 76 47 79 C40.91931338 79.6606959 34.8355938 80.25407254 28.74072266 80.76855469 C27.04176617 80.91202616 25.34335737 81.06238173 23.64599609 81.22363281 C21.64250216 81.40239342 19.63349731 81.51599613 17.625 81.625 C15.94277344 81.73714844 15.94277344 81.73714844 14.2265625 81.8515625 C9.19625392 80.52395079 7.04112384 77.05084194 4 73 C3.4539209 72.28553711 2.9078418 71.57107422 2.34521484 70.83496094 C0.66236198 68.59551468 -0.98439547 66.33305127 -2.625 64.0625 C-7.14621161 57.8673909 -11.70378043 51.70792386 -16.375 45.625 C-16.89191406 44.95122314 -17.40882813 44.27744629 -17.94140625 43.58325195 C-19.62673845 41.38816827 -21.31337029 39.19408685 -23 37 C-25.87895985 33.25301886 -28.75318625 29.50246013 -31.625 25.75 C-32.31255371 24.85619629 -33.00010742 23.96239258 -33.70849609 23.04150391 C-34.35383301 22.19765137 -34.99916992 21.35379883 -35.6640625 20.484375 C-36.52185303 19.36627441 -36.52185303 19.36627441 -37.39697266 18.22558594 C-39.07862406 15.89084117 -40.55354663 13.48604046 -42 11 C-32.03779361 7.75145444 -22.10400567 4.61940369 -11.90234375 2.20605469 C-1.52437275 -0.25330823 -1.52437275 -0.25330823 0 0 Z " fill="#FCFCFC" transform="translate(2421,1233)"/>
<path d="M0 0 C3.67752003 3.54594507 6.93488286 7.26984859 10.0625 11.3125 C10.53727783 11.92150146 11.01205566 12.53050293 11.5012207 13.15795898 C15.4506185 18.24425564 19.32039878 23.3892206 23.1706543 28.55078125 C27.36426665 34.16980864 31.61570478 39.74316196 35.875 45.3125 C41.22191407 52.31384615 46.52026521 59.34813427 51.75 66.4375 C52.32218262 67.21198486 52.89436523 67.98646973 53.48388672 68.78442383 C56.42965735 72.79249475 59.28048532 76.83491804 62 81 C61.64808594 81.43231934 61.29617187 81.86463867 60.93359375 82.31005859 C49.84439419 95.53662958 49.84439419 95.53662958 39.4140625 109.265625 C38.94742188 109.83796875 38.48078125 110.4103125 38 111 C37.34 111 36.68 111 36 111 C34.72241211 109.21850586 34.72241211 109.21850586 33.27734375 106.71484375 C32.74399414 105.80009277 32.21064453 104.8853418 31.66113281 103.94287109 C31.09233398 102.95109863 30.52353516 101.95932617 29.9375 100.9375 C28.74383437 98.88651805 27.54982374 96.83573684 26.35546875 94.78515625 C25.77458496 93.78242676 25.19370117 92.77969727 24.59521484 91.74658203 C22.6740891 88.43885865 20.72030186 85.1536752 18.75 81.875 C18.41468262 81.31659424 18.07936523 80.75818848 17.73388672 80.18286133 C14.81528018 75.33215545 11.87170785 70.49661947 8.92871094 65.66069031 C7.05936738 62.5884914 5.19207377 59.51508391 3.32958984 56.4387207 C2.96575195 55.8377507 2.60191406 55.2367807 2.22705078 54.61759949 C1.5036286 53.42252946 0.7803202 52.22739055 0.05712891 51.03218079 C-2.05951106 47.53815228 -4.19910593 44.05946526 -6.35546875 40.58984375 C-7.27899571 39.08094326 -8.20220468 37.57184805 -9.125 36.0625 C-9.75426392 35.0717749 -9.75426392 35.0717749 -10.39624023 34.06103516 C-13.06863532 29.64128224 -13.06863532 29.64128224 -12.74755859 26.64135742 C-11.93000034 23.75266939 -10.83595276 21.21956064 -9.53125 18.515625 C-9.04269531 17.49855469 -8.55414062 16.48148438 -8.05078125 15.43359375 C-7.28314453 13.85771484 -7.28314453 13.85771484 -6.5 12.25 C-5.73236328 10.65091797 -5.73236328 10.65091797 -4.94921875 9.01953125 C-1.14959206 1.14959206 -1.14959206 1.14959206 0 0 Z " fill="#FCFCFC" transform="translate(2945,2026)"/>
<path d="M0 0 C3.37866428 10.04079857 6.75485208 20.08250416 9.9375 30.1875 C10.14850342 30.85136719 10.35950684 31.51523438 10.5769043 32.19921875 C12 36.75892123 12 36.75892123 12 39 C10.39270188 38.9664635 8.78540798 38.93271728 7.1781311 38.8981781 C5.69488909 38.86632001 4.21163212 38.8351524 2.72836304 38.80458069 C-1.58682999 38.71181105 -5.89952733 38.59364112 -10.21289062 38.43676758 C-19.46077578 38.11642777 -28.62825365 37.96738682 -37.87744141 38.34283447 C-74.23649025 39.75221807 -74.23649025 39.75221807 -81.76269531 33.19384766 C-87.90037656 26.59346549 -94 15.17788268 -94 6 C-19.62711515 -0.47294253 -19.62711515 -0.47294253 0 0 Z " fill="#FCFCFC" transform="translate(2600,1321)"/>
<path d="M0 0 C3.50827915 1.52079073 5.95271646 3.5995673 8.75 6.1875 C9.63042969 6.99445313 10.51085938 7.80140625 11.41796875 8.6328125 C12.27003906 9.41398437 13.12210938 10.19515625 14 11 C15.34972395 12.19254722 16.70350514 13.38052852 18.0625 14.5625 C22.40289558 18.34370351 26.70256526 22.17011025 31 26 C29.28473127 32.01866484 26.39386028 37.38810495 23.5625 42.9375 C19.51996797 50.94070687 15.53668422 58.964442 11.6875 67.0625 C7.10198145 76.7068367 2.46753415 86.32657981 -2.1875 95.9375 C-2.69804428 96.9918071 -2.69804428 96.9918071 -3.21890259 98.06741333 C-5.14522437 102.04528679 -7.07226981 106.02280884 -9 110 C-13.91973731 105.19137077 -18.14309276 100.03703057 -22.375 94.625 C-23.12394531 93.70460938 -23.87289062 92.78421875 -24.64453125 91.8359375 C-25.34707031 90.93359375 -26.04960937 90.03125 -26.7734375 89.1015625 C-27.41716309 88.29025879 -28.06088867 87.47895508 -28.72412109 86.64306641 C-31.00635857 81.91526256 -29.27843637 77.63620651 -27.68408203 72.90185547 C-27.13245478 71.38768318 -26.57328377 69.87624435 -26.0078125 68.3671875 C-25.7058194 67.54480591 -25.40382629 66.72242432 -25.09268188 65.87512207 C-24.11031943 63.205823 -23.11794757 60.54037764 -22.125 57.875 C-21.4438897 56.03222868 -20.76322884 54.18929117 -20.08300781 52.34619141 C-18.0670425 46.89307342 -16.03649769 41.44547955 -14 36 C-13.70581177 35.21318848 -13.41162354 34.42637695 -13.10852051 33.61572266 C-3.48137098 7.88960048 -3.48137098 7.88960048 0 0 Z " fill="#FCFCFC" transform="translate(2952,1879)"/>
<path d="M0 0 C14.05141885 1.38631808 27.94244173 3.476914 41.875 5.75 C44.08532073 6.10730649 46.2956892 6.46431779 48.50610352 6.82104492 C63.13755858 9.18724073 77.76045004 11.60472378 92.37768555 14.05712891 C101.79077339 15.63635471 111.21003248 17.16293654 120.64111328 18.63037109 C126.52734306 19.55272173 132.40932333 20.50208741 138.29223633 21.4453125 C143.78276027 22.32547603 149.27368231 23.20294657 154.765625 24.07421875 C156.42634033 24.33827515 156.42634033 24.33827515 158.12060547 24.60766602 C160.21843465 24.94114689 162.3164061 25.2737346 164.41455078 25.60522461 C170.96043976 26.64733714 177.48348184 27.78780975 184 29 C184 29.33 184 29.66 184 30 C183.08001221 30.09498779 182.16002441 30.18997559 181.2121582 30.2878418 C157.69508277 32.76123747 135.88726109 36.58266939 113.375 44 C112.73856567 44.20933167 112.10213135 44.41866333 111.44641113 44.63433838 C104.1182473 47.06272797 97.13892311 49.69364772 90.29150391 53.27734375 C88 54 88 54 85.87304688 53.27661133 C83.00006595 51.31847561 80.46154959 49.00009288 77.875 46.6875 C54.93070552 26.70581804 28.29052339 12.00582704 0 1 C0 0.67 0 0.34 0 0 Z " fill="#FAFAFA" transform="translate(2177,879)"/>
<path d="M0 0 C11.8774404 0.56161928 23.69613593 1.41634629 35.52612305 2.61962891 C38.09137672 2.87790741 40.6578357 3.12063276 43.22460938 3.36328125 C44.89071998 3.53030522 46.55673955 3.69824043 48.22265625 3.8671875 C49.34789452 3.97049881 49.34789452 3.97049881 50.49586487 4.07589722 C57.46858253 4.81590752 64.25910865 6.60322621 70.26953125 10.3203125 C70.99914063 10.76479736 71.72875 11.20928223 72.48046875 11.66723633 C73.25003906 12.14829834 74.01960938 12.62936035 74.8125 13.125 C75.6478125 13.63635498 76.483125 14.14770996 77.34375 14.67456055 C79.20085776 15.81163708 81.05572738 16.95237473 82.90869141 18.09619141 C88.14759645 21.32261547 93.41028618 24.50983742 98.67050171 27.70135498 C100.44919106 28.78164121 102.22638838 29.86433976 104.00317383 30.94775391 C111.28850825 35.38303247 118.61633333 39.7305842 126 44 C122.95867474 45.71901831 120.42121291 46.37156775 116.95947266 46.76196289 C115.95808258 46.87870865 114.9566925 46.99545441 113.92495728 47.11573792 C112.848862 47.23352097 111.77276672 47.35130402 110.6640625 47.47265625 C109.55195404 47.60063095 108.43984558 47.72860565 107.29403687 47.86045837 C103.73846041 48.26825743 100.18182166 48.66572212 96.625 49.0625 C93.07558438 49.46492426 89.52641912 49.86946613 85.97738647 50.2752533 C83.7695106 50.52698975 81.56136838 50.77640381 79.35293579 51.02320862 C73.79315421 51.64994187 68.28309516 52.33057457 62.796875 53.44921875 C58.77280033 53.91767019 56.72194462 53.56860134 53.48046875 51.015625 C51.82897804 49.34130262 50.21626115 47.62749329 48.65234375 45.87109375 C45.96036571 42.95709691 43.11919419 40.42890549 40.11694336 37.84545898 C36.58755111 34.7686886 33.20857473 31.53480187 29.8125 28.3125 C28.32074238 26.90319066 26.82855042 25.49434095 25.3359375 24.0859375 C24.6047168 23.3959668 23.87349609 22.70599609 23.12011719 21.99511719 C20.07299147 19.12764698 17.01063649 16.27705979 13.9375 13.4375 C13.41365723 12.95345703 12.88981445 12.46941406 12.35009766 11.97070312 C8.7291516 8.63901455 5.04675543 5.38807522 1.29296875 2.20703125 C0.86628906 1.80871094 0.43960937 1.41039063 0 1 C0 0.67 0 0.34 0 0 Z " fill="#FCFCFC" transform="translate(1768,2805)"/>
<path d="M0 0 C2.84570731 3.37716694 5.03596317 6.68539705 7.03125 10.62109375 C7.58893066 11.71131836 8.14661133 12.80154297 8.72119141 13.92480469 C9.30819824 15.08399414 9.89520508 16.24318359 10.5 17.4375 C11.74368877 19.87039858 12.99241393 22.3006912 14.2421875 24.73046875 C14.55586273 25.34109161 14.86953796 25.95171448 15.19271851 26.58084106 C18.25038312 32.51771045 21.41771258 38.39266613 24.625 44.25 C25.10904297 45.13486084 25.59308594 46.01972168 26.09179688 46.93139648 C28.10787292 50.60277334 30.14467727 54.25214967 32.2734375 57.859375 C35.03040071 62.87430355 35.1887883 67.27421342 35.31640625 72.9296875 C35.34764587 74.0987262 35.34764587 74.0987262 35.3795166 75.29138184 C35.44536699 77.81915868 35.50425793 80.34703729 35.5625 82.875 C35.60532503 84.60237785 35.64821251 86.32975415 35.69116211 88.05712891 C35.98681452 100.37256593 36.12457375 112.68104037 36 125 C31.85564576 121.59620509 28.13307101 118.24184719 24.8125 114 C21.29292604 109.58704185 17.69047545 105.27100622 14 101 C9.68518142 95.99359119 5.43749084 90.94577581 1.31640625 85.77734375 C-0.41704658 83.69895427 -2.16225877 81.76055209 -4.03515625 79.81640625 C-4.80460571 78.98894897 -4.80460571 78.98894897 -5.58959961 78.14477539 C-6.58061731 77.08316205 -7.59471994 76.04243126 -8.63500977 75.02905273 C-10.83065443 72.63348453 -11.93413066 70.94794569 -12.1628418 67.65649414 C-11.9355758 64.72737785 -11.50460387 61.89447642 -11 59 C-10.82243164 57.86481934 -10.64486328 56.72963867 -10.46191406 55.56005859 C-9.86474103 51.84548229 -9.21982112 48.14187818 -8.5625 44.4375 C-8.34529297 43.18775391 -8.12808594 41.93800781 -7.90429688 40.65039062 C-6.82792407 34.49922709 -5.700279 28.36421148 -4.45336914 22.24536133 C-3.60102174 18.02401557 -2.83436608 13.78639371 -2.05664062 9.55078125 C-1.46129126 6.34025852 -0.84918172 3.15410354 0 0 Z " fill="#FCFCFC" transform="translate(1309,2226)"/>
<path d="M0 0 C5.37157246 3.73229149 10.00801477 7.83529235 14.53125 12.55859375 C17.21867307 15.21625106 20.03539318 17.67135372 22.89013672 20.14624023 C26.27460971 23.11989256 29.54028454 26.21645566 32.8125 29.3125 C34.10980501 30.53868372 35.40800235 31.76392398 36.70703125 32.98828125 C37.37984131 33.6318457 38.05265137 34.27541016 38.74584961 34.93847656 C40.35993342 36.41462989 42.03307543 37.82719661 43.74047852 39.19433594 C51.53485907 45.62140896 55.01125242 52.32244431 58.3125 61.625 C58.81616544 62.97022552 59.32270104 64.31437975 59.83203125 65.6574707 C60.81647047 68.26802549 61.78385879 70.88369862 62.73291016 73.50732422 C63.77946958 76.39211787 64.85027098 79.2638136 65.94921875 82.12890625 C67.3337414 85.74036184 68.6679806 89.36881841 70 93 C70.63228516 94.62808594 70.63228516 94.62808594 71.27734375 96.2890625 C71.66019531 97.28679688 72.04304688 98.28453125 72.4375 99.3125 C72.76621094 100.15425781 73.09492187 100.99601562 73.43359375 101.86328125 C74 104 74 104 73 107 C71.9275 106.35417969 70.855 105.70835937 69.75 105.04296875 C61.492258 100.07714617 53.22516962 95.12788515 44.93359375 90.21875 C43.88505722 89.59762077 43.88505722 89.59762077 42.81533813 88.96394348 C38.65666279 86.50061257 34.49628699 84.04020424 30.33338928 81.58401489 C29.03446032 80.81215811 27.73931754 80.03389061 26.44822693 79.24899292 C23.56463018 77.49603015 20.72635816 75.86533096 17.69360352 74.37280273 C13.38294604 72.12319495 10.6466916 70.56495079 8.74829102 65.97094727 C7.9218949 62.21873952 7.43851602 58.50340473 7.0625 54.6875 C6.89002913 53.31203457 6.71255168 51.9371884 6.53027344 50.56298828 C6.16354781 47.75727345 5.82141718 44.95024799 5.49853516 42.13916016 C4.76322875 35.85758454 3.74169021 29.62018589 2.75 23.375 C2.29857761 20.40441398 1.84927439 17.43352012 1.40136719 14.46240234 C1.12625976 12.77460824 0.80814892 11.09342645 0.45410156 9.42041016 C-0.13881593 6.26009617 -0.06288165 3.20696394 0 0 Z " fill="#FBFBFB" transform="translate(1396,2470)"/>
<path d="M0 0 C4.72294793 4.3456845 7.49672714 9.60893693 10.65551758 15.13549805 C11.68557907 16.93414576 12.72971523 18.72406681 13.77539062 20.51367188 C14.75862305 22.22200195 14.75862305 22.22200195 15.76171875 23.96484375 C16.35944092 25.0024585 16.95716309 26.04007324 17.57299805 27.10913086 C19.94925778 31.92303873 19.94925778 31.92303873 20 35 C18.12771506 37.44777533 16.34578759 39.41295367 14.14672852 41.53442383 C13.19597443 42.48649216 13.19597443 42.48649216 12.22601318 43.45779419 C10.12421839 45.55540375 8.00195995 47.63095909 5.87890625 49.70703125 C4.41885877 51.1558901 2.96012909 52.60607803 1.50267029 54.05754089 C-2.33942482 57.87671229 -6.19919581 61.67752675 -10.06286621 65.47485352 C-14.0012675 69.35191025 -17.92276648 73.24597921 -21.84570312 77.13867188 C-29.54731136 84.77590476 -37.26769124 92.39386022 -45 100 C-48.33313684 95.00029474 -49.83127147 89.22773669 -51.75 83.5625 C-52.18699219 82.32177734 -52.62398437 81.08105469 -53.07421875 79.80273438 C-53.67943359 78.01512695 -53.67943359 78.01512695 -54.296875 76.19140625 C-54.67166992 75.10029541 -55.04646484 74.00918457 -55.43261719 72.88500977 C-56 70 -56 70 -55.22192383 67.76367188 C-53.57210068 65.38238867 -51.79476974 63.16163784 -49.9375 60.9375 C-49.12667969 59.96039062 -48.31585937 58.98328125 -47.48046875 57.9765625 C-46.66191406 56.99429688 -45.84335938 56.01203125 -45 55 C-43.58122141 53.27256574 -42.16453557 51.54341044 -40.75 49.8125 C-40.0075 48.905 -39.265 47.9975 -38.5 47.0625 C-33.32107192 40.71831311 -28.16198066 34.35797732 -23 28 C-1.41975309 1.41975309 -1.41975309 1.41975309 0 0 Z " fill="#FCFCFC" transform="translate(2973,2175)"/>
<path d="M0 0 C4.43768016 0.14064186 8.8750941 0.28847434 13.3125 0.4375 C15.17745117 0.49647461 15.17745117 0.49647461 17.08007812 0.55664062 C24.41793056 0.80701354 31.6975866 1.23117596 39 2 C40.89586194 8.28674972 42.33220267 14.65294225 43.75 21.0625 C44.01095459 22.23772217 44.27190918 23.41294434 44.54077148 24.6237793 C46.76901962 34.75539721 48.80736037 44.92060046 50.80615234 55.09960938 C52.53828894 63.86474859 54.43023766 72.57968131 56.52758789 81.26489258 C57.47181169 85.25096364 58.28725722 88.86856526 58 93 C51.03119722 92.37496305 44.40805547 91.14464483 37.625 89.4375 C36.64144531 89.22287109 35.65789063 89.00824219 34.64453125 88.78710938 C31.88490566 88.08304621 29.51055396 87.34553125 27 86 C25.34233117 83.04684209 24.75019737 81.20870133 24 78 C23.24776944 75.74589983 22.47775511 73.49769812 21.6953125 71.25390625 C20.83603948 68.69090223 19.97886921 66.1272993 19.125 63.5625 C18.78918915 62.55565659 18.78918915 62.55565659 18.44659424 61.5284729 C15.55694631 52.8534557 12.78934391 44.16314152 10.2890625 35.3671875 C8.26808798 28.37306368 5.95076058 21.46479066 3.67724609 14.54956055 C3.34547363 13.52902588 3.01370117 12.50849121 2.671875 11.45703125 C2.22473145 10.0954187 2.22473145 10.0954187 1.76855469 8.70629883 C0.94904877 5.82058629 0.44105905 2.96516919 0 0 Z " fill="#FCFCFC" transform="translate(2639,1386)"/>
<path d="M0 0 C7.99242189 2.54818239 15.76829514 5.59736082 23.5625 8.6875 C24.87035668 9.20399393 26.17829879 9.72027159 27.48632812 10.23632812 C30.65839598 11.4887682 33.82958721 12.74337757 37 14 C36.31064728 25.84254615 34.72272638 37.55658761 33.1875 49.3125 C32.78158926 52.44951015 32.37684318 55.5866693 31.97210693 58.72383118 C31.7021952 60.81509893 31.43189245 62.90631625 31.16119385 64.9974823 C29.95654491 74.30761997 28.7839365 83.62157548 27.625 92.9375 C27.45598631 94.29402831 27.28696008 95.65055506 27.11791992 97.00708008 C26.74470442 100.00464901 26.37200176 103.00228024 26 106 C20.29720836 102.96013585 14.94402278 99.71763677 9.75 95.875 C5.24407413 92.49791417 5.24407413 92.49791417 0.33056641 89.77905273 C-2 88 -2 88 -2.58349609 84.99291992 C-2.56367676 83.75131104 -2.54385742 82.50970215 -2.5234375 81.23046875 C-2.5191423 80.53778397 -2.51484711 79.84509918 -2.51042175 79.13142395 C-2.48961285 76.81577726 -2.43255679 74.50250292 -2.375 72.1875 C-2.35211112 70.56187556 -2.33123817 68.93622163 -2.31225586 67.31054688 C-2.2528715 62.84519767 -2.15983403 58.38107277 -2.06109619 53.91644287 C-1.97554831 49.83279191 -1.91086121 45.74888023 -1.84503174 41.66487122 C-1.75944879 36.44308248 -1.66260706 31.22152843 -1.5625 26 C-1.54330505 24.98642426 -1.52411011 23.97284851 -1.5043335 22.92855835 C-1.44706034 20.03555903 -1.38298589 17.14279849 -1.31640625 14.25 C-1.29966354 13.38695755 -1.28292084 12.5239151 -1.26567078 11.63471985 C-1.16658741 7.64239943 -0.9737902 3.89714105 0 0 Z " fill="#FBFBFB" transform="translate(2837,1608)"/>
<path d="M0 0 C0.49028687 1.267229 0.49028687 1.267229 0.99047852 2.56005859 C1.70345605 4.40274258 2.41645414 6.24541866 3.12982178 8.08795166 C4.49344573 11.61030165 5.8552527 15.13333521 7.21362305 18.65771484 C9.56491863 24.75262185 11.9175107 30.84379579 14.390625 36.890625 C14.72247803 37.70998535 15.05433105 38.5293457 15.39624023 39.37353516 C15.989258 40.83071869 16.5923119 42.28387495 17.20727539 43.73193359 C18.73919548 47.52174778 19.51711355 50.11537292 18 54 C16.609375 55.59765625 16.609375 55.59765625 14.75 57.0625 C10.86976179 60.25183249 7.1713695 63.57564527 3.5 67 C-0.71021694 70.90444699 -4.93194209 74.78610323 -9.2890625 78.52734375 C-10.44527777 79.52253361 -11.58574841 80.53626738 -12.7109375 81.56640625 C-14.3125 83 -14.3125 83 -17 85 C-20 84 -20 84 -21.25843811 82.09112549 C-21.67210129 81.25571228 -22.08576447 80.42029907 -22.51196289 79.55957031 C-23.222687 78.14239716 -23.222687 78.14239716 -23.94776917 76.69659424 C-24.4509819 75.66749939 -24.95419464 74.63840454 -25.47265625 73.578125 C-25.99637314 72.52598816 -26.52009003 71.47385132 -27.05967712 70.38983154 C-28.73666571 67.01444686 -30.39944072 63.63226571 -32.0625 60.25 C-33.18727885 57.98394187 -34.31291931 55.71831119 -35.43945312 53.453125 C-37.50375465 49.29053233 -39.56755277 45.1277243 -41.61743164 40.95800781 C-42.03029922 40.11941223 -42.44316681 39.28081665 -42.86854553 38.41680908 C-44.01072876 35.97708315 -45.02442858 33.51045622 -46 31 C-38.27711944 25.02099569 -30.33125751 19.38675648 -22.3125 13.8125 C-21.33917725 13.13574219 -20.36585449 12.45898438 -19.36303711 11.76171875 C-16.58054844 9.83347183 -13.7918658 7.91463882 -11 6 C-10.12907715 5.39849121 -9.2581543 4.79698242 -8.36083984 4.17724609 C-7.55469238 3.62762207 -6.74854492 3.07799805 -5.91796875 2.51171875 C-5.20793701 2.02533936 -4.49790527 1.53895996 -3.76635742 1.0378418 C-2 0 -2 0 0 0 Z " fill="#FCFCFC" transform="translate(1182,1824)"/>
<path d="M0 0 C1.35604718 0.29217886 2.71225126 0.58363032 4.06860352 0.87438965 C7.61453063 1.63654622 11.15825795 2.40847916 14.70159912 3.18255615 C18.32711859 3.97274 21.95465759 4.75353698 25.58203125 5.53515625 C32.6816825 7.06640677 39.77903329 8.60800427 46.875 10.15625 C46.875 10.81625 46.875 11.47625 46.875 12.15625 C32.48167455 19.40469874 18.07868673 26.61624328 3.51342773 33.51489258 C2.21900757 34.12820435 2.21900757 34.12820435 0.8984375 34.75390625 C-0.34728027 35.33809326 -0.34728027 35.33809326 -1.61816406 35.93408203 C-3.36014658 36.78335789 -5.08008831 37.67875602 -6.78027344 38.60888672 C-8.07626465 39.31102295 -8.07626465 39.31102295 -9.3984375 40.02734375 C-10.16333496 40.45845459 -10.92823242 40.88956543 -11.71630859 41.33374023 C-17.26894335 43.22983049 -22.25851806 40.40220988 -27.234375 37.98046875 C-28.24917938 37.49815041 -28.24917938 37.49815041 -29.28448486 37.00608826 C-31.48465176 35.95879364 -33.6797762 34.90136094 -35.875 33.84375 C-38.16138939 32.75166327 -40.44897396 31.66211032 -42.73669434 30.57281494 C-44.27949377 29.83810002 -45.82189193 29.10254187 -47.3638916 28.3661499 C-52.25048505 26.03549893 -57.15354497 23.74532157 -62.078125 21.49609375 C-63.27469727 20.94928955 -64.47126953 20.40248535 -65.70410156 19.83911133 C-67.94424626 18.81895979 -70.18573595 17.80175533 -72.42871094 16.7878418 C-73.91806152 16.10782104 -73.91806152 16.10782104 -75.4375 15.4140625 C-76.29988281 15.0236377 -77.16226562 14.63321289 -78.05078125 14.23095703 C-80.125 13.15625 -80.125 13.15625 -82.125 11.15625 C-71.74979336 8.53483139 -61.35853798 5.9938858 -50.94091797 3.54638672 C-48.72965404 3.02646618 -46.5191144 2.50353934 -44.30859375 1.98046875 C-40.25100539 1.02286929 -36.18936899 0.08466998 -32.125 -0.84375 C-31.14112305 -1.07030273 -30.15724609 -1.29685547 -29.14355469 -1.53027344 C-28.29954102 -1.71364258 -27.45552734 -1.89701172 -26.5859375 -2.0859375 C-25.90063965 -2.23659668 -25.2153418 -2.38725586 -24.50927734 -2.54248047 C-15.98605208 -3.61944749 -8.30533478 -1.82766466 0 0 Z " fill="#FBFBFB" transform="translate(2103.125,2857.84375)"/>
<path d="M0 0 C-0.96476135 8.53530037 -2.07969092 16.98271638 -3.75537109 25.41381836 C-4.58396772 29.62967315 -5.29763515 33.84929092 -5.94140625 38.09765625 C-6.10656738 39.165 -6.27172852 40.23234375 -6.44189453 41.33203125 C-6.76544319 43.44099472 -7.07811937 45.55166306 -7.37841797 47.6640625 C-8.30148375 53.59512643 -9.50394749 58.10721099 -13 63 C-13.47026611 63.66797607 -13.94053223 64.33595215 -14.42504883 65.02416992 C-16.06886337 67.30813975 -17.74832294 69.56189597 -19.4375 71.8125 C-20.69337642 73.50210779 -21.94856867 75.19222429 -23.203125 76.8828125 C-23.83669922 77.73520508 -24.47027344 78.58759766 -25.12304688 79.46582031 C-28.00334596 83.35467366 -30.85123441 87.26645268 -33.6875 91.1875 C-34.21633789 91.91735107 -34.74517578 92.64720215 -35.29003906 93.39916992 C-37.97655883 97.12561947 -40.61329864 100.87856274 -43.1875 104.68359375 C-43.69321533 105.43036377 -44.19893066 106.17713379 -44.7199707 106.9465332 C-45.67823643 108.36902615 -46.63020108 109.7957899 -47.57495117 111.22729492 C-48.6671448 112.85257066 -49.8271532 114.4319316 -51 116 C-51.66 116 -52.32 116 -53 116 C-53.29105672 109.53053901 -53.57500769 103.06079144 -53.85449219 96.59082031 C-53.9499408 94.39934571 -54.04689445 92.20793603 -54.14550781 90.01660156 C-54.42979722 83.68681098 -54.67842377 77.35724413 -54.88720703 71.02450562 C-54.99657498 68.09184075 -55.15053093 65.16402247 -55.30859375 62.23364258 C-55.92757102 47.84201733 -55.92757102 47.84201733 -52 43.23046875 C-50.07299805 41.61987305 -50.07299805 41.61987305 -48 40.1875 C-47.3088208 39.63167236 -46.6176416 39.07584473 -45.90551758 38.50317383 C-44.55876721 37.42536125 -43.19319282 36.37051353 -41.80712891 35.34375 C-39.65352298 33.74236564 -37.67062024 31.99406916 -35.6875 30.1875 C-35.09066406 29.67316406 -34.49382812 29.15882812 -33.87890625 28.62890625 C-29.86421955 25.14839824 -25.94386283 21.56026523 -22 18 C-19.51195886 15.75998788 -17.02320282 13.52081646 -14.53125 11.28515625 C-12.75117639 9.67814535 -10.98120703 8.05990593 -9.21875 6.43359375 C-8.3215625 5.60988281 -7.424375 4.78617188 -6.5 3.9375 C-5.6853125 3.18339844 -4.870625 2.42929688 -4.03125 1.65234375 C-2 0 -2 0 0 0 Z " fill="#FCFCFC" transform="translate(1388,1728)"/>
<path d="M0 0 C4.0579323 1.27891115 7.82939538 2.78051274 11.6484375 4.65234375 C12.72480469 5.17578369 13.80117187 5.69922363 14.91015625 6.23852539 C16.66036661 7.09673522 18.41057413 7.95495085 20.16064453 8.81344604 C26.62780032 11.9809103 33.08846074 15.08399211 39.7265625 17.8828125 C51.79489034 23.0005525 60.20271477 27.29812027 68 38 C69.49262863 39.81857527 70.9925548 41.6311874 72.5 43.4375 C73.5828125 44.78134766 73.5828125 44.78134766 74.6875 46.15234375 C77.24867597 49.30622429 79.86754396 52.40566965 82.5 55.5 C97.05574572 72.65489528 97.05574572 72.65489528 101 79 C94.2374133 78.44896236 87.70484474 77.46412571 81.07421875 76.0390625 C79.7100457 75.75221085 79.7100457 75.75221085 78.3183136 75.45956421 C75.44030866 74.85296878 72.56393833 74.23897589 69.6875 73.625 C67.77158064 73.2208975 65.85556562 72.81724825 63.93945312 72.4140625 C60.26427326 71.64026219 56.59336983 70.84942034 52.92431641 70.04711914 C49.92892394 69.3958672 46.93865288 68.80102172 43.91552734 68.29467773 C34.78737199 66.6274904 34.78737199 66.6274904 32.078125 62.76953125 C31.42342871 61.47241941 30.8151262 60.15106593 30.25 58.8125 C29.53911966 57.36001105 28.82683983 55.90820635 28.11328125 54.45703125 C27.7673291 53.71533691 27.42137695 52.97364258 27.06494141 52.20947266 C25.37337632 48.69992106 23.39369869 45.3666463 21.4375 42 C18.09214534 36.1081706 15.0131138 30.11603953 12.03686523 24.03076172 C9.18137917 18.23965569 6.04002973 12.63068217 2.79296875 7.05078125 C0 2.20502981 0 2.20502981 0 0 Z " fill="#FCFCFC" transform="translate(1555,2668)"/>
<path d="M0 0 C-1.46970796 3.9183165 -3.28600719 7.50235478 -5.30859375 11.1640625 C-5.63091476 11.74958389 -5.95323578 12.33510529 -6.2853241 12.93836975 C-9.14459288 18.12357243 -12.03730362 23.29036417 -14.92987061 28.45704651 C-17.02062955 32.20236996 -19.04455079 35.97287339 -21.01171875 39.78515625 C-26.25471191 49.76589819 -31.27142163 55.90850813 -40.93066406 61.71435547 C-45.01410704 64.25133172 -48.89133012 67.09666298 -52.8125 69.875 C-54.52009978 71.06875832 -56.22843285 72.26146841 -57.9375 73.453125 C-61.23964477 75.76159221 -64.53119813 78.08387985 -67.8125 80.421875 C-68.57199951 80.96215332 -69.33149902 81.50243164 -70.11401367 82.05908203 C-71.53017025 83.06776924 -72.94454116 84.07897056 -74.35668945 85.09326172 C-78.44660188 88.00340159 -82.60289994 90.57675987 -87 93 C-85.49581874 85.76790409 -83.53308525 78.7411079 -81.41015625 71.66796875 C-81.06496445 70.51379959 -80.71977264 69.35963043 -80.36412048 68.17048645 C-79.63718487 65.74536669 -78.90843982 63.32078865 -78.17797852 60.89672852 C-77.06151773 57.18423372 -75.95738088 53.46820957 -74.85351562 49.75195312 C-74.14398344 47.39039825 -73.43372231 45.02906223 -72.72265625 42.66796875 C-72.23032249 41.00232124 -72.23032249 41.00232124 -71.7280426 39.30302429 C-71.41439255 38.27127579 -71.10074249 37.23952728 -70.77758789 36.17651367 C-70.50604385 35.27100266 -70.23449982 34.36549164 -69.95472717 33.43254089 C-68.33107483 29.29565151 -66.77189515 27.39563233 -62.79907227 25.359375 C-61.47641951 24.8109405 -60.14842517 24.27527738 -58.81640625 23.75 C-57.73671318 23.30727501 -57.73671318 23.30727501 -56.63520813 22.85560608 C-54.28185172 21.89300597 -51.92233038 20.94660384 -49.5625 20 C-47.11834367 19.00506065 -44.67586809 18.00607206 -42.23345947 17.0068512 C-40.58081632 16.33104351 -38.92761375 15.65660231 -37.27386475 14.98350525 C-28.2252661 11.29529912 -19.26267624 7.41294979 -10.30688477 3.50585938 C-9.23365967 3.04115234 -8.16043457 2.57644531 -7.0546875 2.09765625 C-5.65452393 1.48676147 -5.65452393 1.48676147 -4.22607422 0.86352539 C-2 0 -2 0 0 0 Z " fill="#FCFCFC" transform="translate(1543,1522)"/>
<path d="M0 0 C-1.58922306 5.28875199 -3.86322341 10.08704282 -6.2890625 15.02734375 C-6.71118011 15.8933168 -7.13329773 16.75928986 -7.56820679 17.65150452 C-8.46244791 19.48380275 -9.35853575 21.31520072 -10.25634766 23.14575195 C-11.60414231 25.89495494 -12.94511596 28.64740119 -14.28515625 31.40039062 C-16.42887699 35.7950926 -18.59516379 40.17798131 -20.77990723 44.5524292 C-21.57590298 46.14923889 -22.36738179 47.74831057 -23.15368652 49.34991455 C-24.19864001 51.47214028 -25.26368784 53.58287096 -26.3359375 55.69140625 C-26.92681152 56.87033447 -27.51768555 58.0492627 -28.12646484 59.26391602 C-31.18263339 63.72710092 -35.16945508 64.15138415 -40.234375 65.2265625 C-41.26812256 65.45005371 -42.30187012 65.67354492 -43.36694336 65.90380859 C-44.48335205 66.14180176 -45.59976074 66.37979492 -46.75 66.625 C-54.8515128 68.38095423 -62.92922367 70.19934313 -70.98046875 72.171875 C-71.72759125 72.35483124 -72.47471375 72.53778748 -73.24447632 72.72628784 C-76.92559109 73.62998258 -80.60467559 74.54139094 -84.28222656 75.45947266 C-85.63474617 75.7933731 -86.98728432 76.1271984 -88.33984375 76.4609375 C-89.52956787 76.75790527 -90.71929199 77.05487305 -91.94506836 77.36083984 C-95 78 -95 78 -99 78 C-97.72217784 75.26951538 -96.33406328 72.99594754 -94.41796875 70.671875 C-93.90468018 70.04514893 -93.3913916 69.41842285 -92.86254883 68.77270508 C-92.03339966 67.77146606 -92.03339966 67.77146606 -91.1875 66.75 C-90.00777218 65.31123098 -88.82808585 63.87242793 -87.6484375 62.43359375 C-87.04354492 61.69866699 -86.43865234 60.96374023 -85.81542969 60.20654297 C-82.97138167 56.74977777 -80.14046422 53.28242619 -77.3125 49.8125 C-76.82740967 49.22114258 -76.34231934 48.62978516 -75.8425293 48.02050781 C-75.35437744 47.42206055 -74.86622559 46.82361328 -74.36328125 46.20703125 C-73.83919678 45.57216797 -73.3151123 44.93730469 -72.77514648 44.28320312 C-71.42048541 42.54083063 -70.14749124 40.73465866 -68.91430664 38.90429688 C-62.59551809 29.68438226 -55.88515915 25.42009639 -45.8125 20.875 C-44.39534126 20.20541072 -42.97966346 19.53267876 -41.56542969 18.85693359 C-38.73544057 17.51085838 -35.89799692 16.18334551 -33.05126953 14.87304688 C-28.25257571 12.66261541 -23.49815089 10.36527253 -18.7409668 8.06689453 C-15.18828417 6.35420629 -11.62470933 4.66533936 -8.05761719 2.98291016 C-6.64353186 2.30741092 -5.24343723 1.60207211 -3.85644531 0.87255859 C-2 0 -2 0 0 0 Z " fill="#FCFCFC" transform="translate(2614,2662)"/>
<path d="M0 0 C1.92652696 2.88979043 2.45002161 4.37244362 3.11328125 7.67993164 C3.30688232 8.62844498 3.5004834 9.57695831 3.69995117 10.55421448 C3.90209229 11.57917526 4.1042334 12.60413605 4.3125 13.66015625 C4.52688721 14.71980087 4.74127441 15.7794455 4.9621582 16.87120056 C5.64769391 20.26707605 6.3239548 23.66472377 7 27.0625 C7.45512043 29.32499233 7.91084273 31.58736368 8.3671875 33.84960938 C9.40023446 38.97777839 10.42799546 44.10696104 11.44804382 49.23773193 C11.82043261 51.10135388 12.19683849 52.96417702 12.57698059 54.82623291 C12.7575853 55.7134906 12.93819 56.60074829 13.12426758 57.51489258 C13.28526443 58.29955399 13.44626129 59.08421539 13.61213684 59.89265442 C14.33242577 63.8061421 14.75585239 66.70751525 12.70703125 70.2109375 C12.08183594 70.92507812 11.45664063 71.63921875 10.8125 72.375 C10.08289062 73.23351563 9.35328125 74.09203125 8.6015625 74.9765625 C7.74304687 75.97429688 6.88453125 76.97203125 6 78 C3.88032941 80.57078356 1.78457218 83.16077042 -0.3125 85.75 C-0.87001953 86.43465332 -1.42753906 87.11930664 -2.00195312 87.82470703 C-5.61240264 92.2628115 -9.16805919 96.73951393 -12.6875 101.25 C-16.2750332 105.84073199 -19.9099594 110.38663537 -23.625 114.875 C-24.44226562 115.86242188 -25.25953125 116.84984375 -26.1015625 117.8671875 C-26.72804688 118.57101563 -27.35453125 119.27484375 -28 120 C-28.33 120 -28.66 120 -29 120 C-32.29473411 54.56105192 -32.29473411 54.56105192 -15.08251953 29.21777344 C-11.69220105 23.9792743 -9.19564411 18.36032407 -6.625 12.6875 C-5.76786785 10.85579696 -4.90638261 9.02611978 -4.0390625 7.19921875 C-3.69053223 6.45502686 -3.34200195 5.71083496 -2.98291016 4.9440918 C-2 3 -2 3 0 0 Z " fill="#FCFCFC" transform="translate(2854,2211)"/>
<path d="M0 0 C-0.38021242 11.00714968 -1.78616902 21.84501409 -3.45654297 32.72558594 C-4.36769248 38.75914524 -5.09808961 44.61190888 -5.15625 50.71875 C-5.49896396 65.23033416 -5.49896396 65.23033416 -9.97753906 70.18994141 C-15.2060458 74.45133157 -21.0473581 77.4964037 -27.06396484 80.49267578 C-31.50222591 82.77122425 -35.6348116 85.46905435 -39.8125 88.1875 C-41.34513495 89.15687824 -42.87898001 90.12434604 -44.4140625 91.08984375 C-51.64722347 95.66773466 -58.82438022 100.33263144 -66 105 C-67 103 -67 103 -66.5085144 101.06266785 C-66.07480026 99.87572075 -66.07480026 99.87572075 -65.63232422 98.66479492 C-65.30803436 97.76593063 -64.98374451 96.86706635 -64.64962769 95.94096375 C-64.28829742 94.9640004 -63.92696716 93.98703705 -63.5546875 92.98046875 C-63.18779816 91.97091629 -62.82090881 90.96136383 -62.44290161 89.92121887 C-61.260686 86.67401101 -60.06784454 83.43081643 -58.875 80.1875 C-58.09308056 78.04256163 -57.31182266 75.89738197 -56.53125 73.75195312 C-55.03157477 69.63228422 -53.51374515 65.51998494 -51.98339844 61.41162109 C-50.81336435 58.26027944 -49.69152468 55.11060206 -48.68066406 51.90478516 C-46.39457634 44.99927215 -43.79151493 41.22492981 -38.15283203 36.64892578 C-34.02681586 33.2883429 -30.35873096 29.46326644 -26.62109375 25.68359375 C-25.50572739 24.56254745 -25.50572739 24.56254745 -24.36782837 23.41885376 C-22.05525566 21.09416767 -19.74598473 18.76624517 -17.4375 16.4375 C-14.35569857 13.3291993 -11.27065063 10.22417389 -8.18359375 7.12109375 C-7.47641708 6.40561874 -6.76924042 5.69014374 -6.04063416 4.95298767 C-5.39228104 4.30133133 -4.74392792 3.64967499 -4.07592773 2.97827148 C-3.2184922 2.11298073 -3.2184922 2.11298073 -2.34373474 1.23020935 C-1 0 -1 0 0 0 Z " fill="#FCFCFC" transform="translate(2772,2457)"/>
<path d="M0 0 C2.2741552 1.4636756 3.34011667 2.80112389 4.82955933 5.04971313 C5.34656906 5.82068832 5.8635788 6.59166351 6.39625549 7.38600159 C6.94119156 8.21934525 7.48612762 9.0526889 8.0475769 9.9112854 C8.61664261 10.76698624 9.18570831 11.62268707 9.77201843 12.50431824 C10.97229704 14.31296358 12.16813268 16.12456416 13.35983276 17.93887329 C15.18671823 20.7194879 17.02699307 23.49084094 18.86984253 26.26089478 C20.03404893 28.01883212 21.19748671 29.77727878 22.3600769 31.5362854 C22.91108566 32.36760483 23.46209442 33.19892426 24.02980042 34.05543518 C24.79113029 35.21662621 24.79113029 35.21662621 25.56784058 36.40127563 C26.01544235 37.0814122 26.46304413 37.76154877 26.92420959 38.46229553 C28.00460815 40.29019165 28.00460815 40.29019165 29.00460815 43.29019165 C-10.26539185 43.29019165 -49.53539185 43.29019165 -89.99539185 43.29019165 C-86.48526775 40.65759858 -83.31688371 38.82886809 -79.4133606 36.88394165 C-78.45056686 36.40258255 -78.45056686 36.40258255 -77.46832275 35.91149902 C-75.37527934 34.86678456 -73.27924541 33.82824593 -71.18289185 32.79019165 C-69.7214882 32.06325996 -68.2601443 31.33620814 -66.79885864 30.60903931 C-57.78057284 26.12902269 -48.73919155 21.69896749 -39.63162231 17.40274048 C-34.82360311 15.13374412 -30.0405623 12.82473029 -25.28794861 10.44216919 C-22.62193192 9.10678432 -19.95019176 7.78306289 -17.27819824 6.45968628 C-15.97345024 5.8094039 -14.67148619 5.15350298 -13.37249756 4.49179077 C-11.56259604 3.57045133 -9.7420695 2.67007475 -7.9211731 1.7706604 C-6.87356812 1.24367554 -5.82596313 0.71669067 -4.74661255 0.17373657 C-1.99539185 -0.70980835 -1.99539185 -0.70980835 0 0 Z " fill="#FDFDFD" transform="translate(1388.9953918457031,3257.7098083496094)"/>
<path d="M0 0 C12.64555753 2.48751954 25.27978977 5.01754502 37.875 7.75 C38.84832275 7.96035889 39.82164551 8.17071777 40.82446289 8.38745117 C41.72543701 8.58443604 42.62641113 8.7814209 43.5546875 8.984375 C44.34343262 9.15678711 45.13217773 9.32919922 45.94482422 9.50683594 C48 10 48 10 51 11 C51.85992298 16.87080397 52.7142517 22.74238506 53.56347656 28.61474609 C53.85296661 30.61106167 54.14396624 32.60715895 54.43652344 34.60302734 C54.85752005 37.47697363 55.27302641 40.35166915 55.6875 43.2265625 C55.81874268 44.11429352 55.94998535 45.00202454 56.08520508 45.91665649 C56.71454871 50.31968764 57.15321842 54.53751362 57 59 C44.59184639 58.39783813 32.2849968 57.28680431 19.9375 55.9375 C18.18428475 55.74897699 16.43102965 55.5608242 14.67773438 55.37304688 C10.45135369 54.91960932 6.22553584 54.46124145 2 54 C0.79950118 42.77570431 0.6700499 31.52629716 0.4375 20.25 C0.39421457 18.28124262 0.35059744 16.3124925 0.30664062 14.34375 C0.20060298 9.56257515 0.09905355 4.78132443 0 0 Z " fill="#FCFCFC" transform="translate(1367,2701)"/>
<path d="M0 0 C3.3768222 1.33373311 6.09342329 3.64795633 8.94073868 5.85371304 C10.35739582 6.93705883 11.77406304 8.02039143 13.19073868 9.10371304 C13.95515274 9.69152554 14.7195668 10.27933804 15.50714493 10.88496304 C18.22040175 12.95705901 20.95381508 15.00049208 23.69073868 17.04121304 C25.60754131 18.47853173 27.52420949 19.91602975 29.44073868 21.35371304 C30.37071671 22.04408657 31.30069473 22.73446011 32.25885391 23.44575405 C33.12196182 24.09729458 33.98506973 24.74883511 34.87433243 25.42011929 C35.64704483 25.99834438 36.41975723 26.57656948 37.21588516 27.17231655 C39.00323868 28.79121304 39.00323868 28.79121304 40.00323868 31.79121304 C28.11838684 35.99824023 16.20321373 40.09448142 4.22784805 44.03730679 C3.27200821 44.3531271 2.31616837 44.66894741 1.33136368 44.99433804 C0.49508438 45.26923061 -0.34119492 45.54412319 -1.20281601 45.82734585 C-3.36796632 46.57428865 -5.51776051 47.36581949 -7.66033554 48.17524624 C-12.63516289 50.05302831 -17.66918458 51.74570245 -22.70769882 53.44355679 C-24.77803859 54.14464813 -26.84835023 54.84582258 -28.91863632 55.54707241 C-32.14580995 56.63857316 -35.37326612 57.72922074 -38.60125351 58.81831264 C-41.74172644 59.87847382 -44.88102372 60.94205986 -48.02019882 62.00605679 C-48.97155716 62.32598095 -49.9229155 62.64590511 -50.90310287 62.97552395 C-56.36858229 64.83050755 -61.70147939 66.85437784 -66.9998436 69.14694118 C-68.99676132 69.79121304 -68.99676132 69.79121304 -70.99676132 68.79121304 C-62.0840521 59.76283814 -53.15802124 50.74787305 -44.21456146 41.74995232 C-40.06251818 37.57177528 -35.91526948 33.38905805 -31.7784996 29.19575405 C-27.78882304 25.15189485 -23.78718384 21.12024352 -19.77682877 17.09689426 C-18.24618781 15.55698887 -16.71996677 14.01267752 -15.19820023 12.46400166 C-13.07182274 10.3015193 -10.93050339 8.15500235 -8.78484726 6.01167202 C-8.1540274 5.36287579 -7.52320755 4.71407955 -6.87327194 4.04562283 C-2.51368334 -0.26283778 -2.51368334 -0.26283778 0 0 Z " fill="#FCFCFC" transform="translate(1806.9967613220215,3419.2087869644165)"/>
<path d="M0 0 C4.03805866 1.36266644 6.54368118 3.1409151 9.625 6.0625 C13.08420957 9.26660562 16.58276566 12.34842269 20.25 15.3125 C24.67643048 18.90030476 29.04283775 22.54946928 33.375 26.25 C33.95797852 26.74540283 34.54095703 27.24080566 35.14160156 27.7512207 C38.58342153 30.70057277 41.83644771 33.75350814 45 37 C40.81530167 40.10682149 36.61371031 43.18906084 32.39746094 46.25292969 C30.73059439 47.46760351 29.06744409 48.68738679 27.40722656 49.91113281 C24.74049454 51.87256522 22.05937984 53.81281359 19.375 55.75 C18.52260742 56.38244629 17.67021484 57.01489258 16.79199219 57.66650391 C15.98149414 58.24577637 15.17099609 58.82504883 14.3359375 59.421875 C13.61970215 59.94362305 12.9034668 60.46537109 12.16552734 61.00292969 C9.30224075 62.32126818 7.96372507 61.98213111 5 61 C2.80615234 59.80761719 2.80615234 59.80761719 0.5859375 58.296875 C-0.2491333 57.73460205 -1.0842041 57.1723291 -1.94458008 56.59301758 C-2.82911865 55.98482178 -3.71365723 55.37662598 -4.625 54.75 C-5.53983154 54.12826904 -6.45466309 53.50653809 -7.3972168 52.8659668 C-9.3067628 51.56717358 -11.21420482 50.26528208 -13.11962891 48.96044922 C-15.93340039 47.04532929 -18.76555443 45.161233 -21.60546875 43.28515625 C-23.34134618 42.12790463 -25.07703147 40.97036474 -26.8125 39.8125 C-27.63637207 39.27270508 -28.46024414 38.73291016 -29.30908203 38.17675781 C-30.05915527 37.67112305 -30.80922852 37.16548828 -31.58203125 36.64453125 C-32.57553589 35.98481323 -32.57553589 35.98481323 -33.58911133 35.31176758 C-34.05470459 34.87888428 -34.52029785 34.44600098 -35 34 C-35 31 -35 31 -32.65625 28.546875 C-31.61180523 27.60603377 -30.55918036 26.67422079 -29.5 25.75 C-28.67459717 25.01257568 -28.67459717 25.01257568 -27.83251953 24.26025391 C-26.22914439 22.83143409 -24.61644605 21.41399897 -23 20 C-22.26523438 19.35289063 -21.53046875 18.70578125 -20.7734375 18.0390625 C-19.52006147 16.94042425 -18.26360232 15.8452922 -17.00390625 14.75390625 C-13.76219131 11.91661579 -10.58142572 9.01186217 -7.39453125 6.11328125 C-4.99011391 3.99127508 -2.51988903 1.98279012 0 0 Z " fill="#FCFCFC" transform="translate(2064,1120)"/>
<path d="M0 0 C3.25249847 0.64901939 5.69003244 1.83021143 8.53515625 3.51953125 C9.41864746 4.04200439 10.30213867 4.56447754 11.21240234 5.1027832 C12.15293457 5.66698975 13.0934668 6.23119629 14.0625 6.8125 C15.02881348 7.38766357 15.99512695 7.96282715 16.99072266 8.55541992 C26.4334026 14.20360142 35.7302934 20.07383127 45 26 C43.88163047 31.92701652 42.76055679 37.85351266 41.63696289 43.77954102 C41.2550317 45.79600137 40.87384266 47.81260243 40.4934082 49.8293457 C39.9467719 52.72644683 39.39747743 55.6230331 38.84765625 58.51953125 C38.6778273 59.42274612 38.50799835 60.325961 38.33302307 61.25654602 C38.09288734 62.5175135 38.09288734 62.5175135 37.84790039 63.80395508 C37.70800186 64.54341873 37.56810333 65.28288239 37.42396545 66.04475403 C37 68 37 68 36 71 C31.1981278 70.35016228 27.26666994 68.40710075 22.953125 66.32421875 C22.18248718 65.95778763 21.41184937 65.59135651 20.61785889 65.21382141 C18.15936465 64.04362402 15.70458789 62.86586608 13.25 61.6875 C10.80898385 60.52139254 8.36721487 59.35688267 5.92498779 58.1933136 C4.40918787 57.47050872 2.89419458 56.74600869 1.38018799 56.01945496 C-3.7062191 53.58565959 -8.83684104 51.26624212 -14 49 C-12.35260851 40.86990038 -9.97679298 32.98989857 -7.5625 25.0625 C-7.16310749 23.74293051 -6.76401715 22.42326951 -6.36523438 21.10351562 C-5.59809785 18.56608233 -4.82911471 16.02923449 -4.05908203 13.49267578 C-2.69618348 8.99806382 -1.34575658 4.49977004 0 0 Z " fill="#FCFCFC" transform="translate(1206,2436)"/>
<path d="M0 0 C5.21137153 1.63256109 10.42168697 3.26843791 15.63110352 4.90722656 C17.39872947 5.46279834 19.16662723 6.01750619 20.93481445 6.57128906 C39.77081595 12.47185159 39.77081595 12.47185159 49 16 C47.44369392 25.93240893 45.53021747 35.78898692 43.59594727 45.65332031 C43.06500815 48.36220329 42.53719866 51.07168244 42.00976562 53.78125 C40.51509665 61.43713315 39.00142379 69.08460493 37.34375 76.70703125 C36.21765142 81.89067176 35.25497772 87.07225823 34.4375 92.3125 C33.47953542 98.26236306 32.41135669 104.13744143 31 110 C30.34 110 29.68 110 29 110 C28.79431396 109.22736816 28.58862793 108.45473633 28.37670898 107.65869141 C26.09937227 99.10620926 23.81842885 90.55469543 21.53497314 82.00384521 C21.03325298 80.12455546 20.53199108 78.24514338 20.03076172 76.36572266 C17.06675777 65.25906051 14.07322134 54.16674837 10.875 43.125 C6.75226639 28.86885648 3.31323758 14.46287995 0 0 Z " fill="#FCFCFC" transform="translate(1083,3053)"/>
<path d="M0 0 C2.36659743 4.5896027 4.7327114 9.1794542 7.09838867 13.76953125 C7.90229406 15.32916913 8.70632872 16.88874038 9.51049805 18.44824219 C10.67010405 20.69708801 11.82923632 22.94617747 12.98828125 25.1953125 C13.34465164 25.8861795 13.70102203 26.57704651 14.06819153 27.28884888 C14.73774833 28.58855055 15.40575087 29.88905451 16.07192993 31.19049072 C16.95800767 32.91812525 17.85412626 34.64059896 18.75073242 36.36279297 C20 39 20 39 20 41 C16.05290615 42.72147541 12.17580239 43.72040808 7.96875 44.62109375 C7.29638306 44.76652115 6.62401611 44.91194855 5.93127441 45.06178284 C3.78837792 45.52447339 1.64427092 45.98122584 -0.5 46.4375 C-2.60805067 46.88981414 -4.71582533 47.34338964 -6.82348633 47.79751587 C-8.20725518 48.09554685 -9.59120628 48.39273299 -10.9753418 48.6890564 C-16.48307985 49.87284513 -21.96627365 51.1501968 -27.44335938 52.46899414 C-30 53 -30 53 -33 53 C-35.26785435 47.27377257 -37.52795283 41.54456738 -39.78100586 35.8125 C-40.54810049 33.86407639 -41.31728556 31.91647442 -42.08862305 29.96972656 C-43.19874548 27.16686424 -44.30124748 24.36110597 -45.40234375 21.5546875 C-45.74716293 20.68883026 -46.09198212 19.82297302 -46.44725037 18.93087769 C-48.12962008 14.62116921 -49.46944658 10.6332802 -50 6 C-47.80622109 4.90311055 -46.22835232 4.70264311 -43.79736328 4.42749023 C-42.92951202 4.32746201 -42.06166077 4.22743378 -41.16751099 4.12437439 C-40.22793549 4.02016678 -39.28835999 3.91595917 -38.3203125 3.80859375 C-36.87384842 3.64424583 -36.87384842 3.64424583 -35.39816284 3.47657776 C-33.3556534 3.24534385 -31.31293155 3.01597985 -29.27001953 2.78833008 C-26.14431961 2.43965512 -23.01939866 2.0845662 -19.89453125 1.72851562 C-17.91150141 1.50482611 -15.92842979 1.28150661 -13.9453125 1.05859375 C-13.00978546 0.95236191 -12.07425842 0.84613007 -11.11038208 0.73667908 C-9.79914871 0.59136497 -9.79914871 0.59136497 -8.46142578 0.44311523 C-7.69468536 0.35730698 -6.92794495 0.27149872 -6.13796997 0.18309021 C-4.09853466 0.00843825 -2.04690002 0 0 0 Z " fill="#FCFCFC" transform="translate(1656,2894)"/>
<path d="M0 0 C4.15389569 1.55892123 6.46914362 4.59718752 9.1875 7.9375 C9.90824707 8.80604614 9.90824707 8.80604614 10.64355469 9.69213867 C12.1034334 11.4552341 13.55319181 13.22617009 15 15 C15.81597656 15.99773438 16.63195313 16.99546875 17.47265625 18.0234375 C18.9585641 19.84322859 20.43928877 21.66726784 21.9140625 23.49609375 C24.43115256 26.51754455 27.11487896 29.35590011 29.8828125 32.1484375 C31 34 31 34 30.74755859 36.29003906 C29.92149428 39.28458964 28.7397717 41.5400837 27.15625 44.2109375 C26.57311035 45.20222656 25.9899707 46.19351563 25.38916016 47.21484375 C24.7657373 48.25769531 24.14231445 49.30054687 23.5 50.375 C22.55519775 51.97408203 22.55519775 51.97408203 21.59130859 53.60546875 C19.73542306 56.74174939 17.86952979 59.87183768 16 63 C15.23671387 64.28052246 15.23671387 64.28052246 14.45800781 65.58691406 C11.9856894 69.73296246 9.50107683 73.87123826 7 78 C2.02378367 73.78787366 -2.81138982 69.46389684 -7.5625 65 C-8.24634766 64.35861084 -8.93019531 63.71722168 -9.63476562 63.05639648 C-16.57076295 56.51754094 -23.30744387 49.7866702 -30 43 C-28.53938926 38.67373449 -26.33620545 35.62121981 -23.5 32.0625 C-19.83974346 27.41189982 -16.29563753 22.70480161 -12.875 17.875 C-12.46523926 17.2967749 -12.05547852 16.7185498 -11.63330078 16.12280273 C-10.82175753 14.97718009 -10.01039388 13.8314302 -9.19921875 12.68554688 C-6.17112486 8.42944749 -3.08140519 4.21756576 0 0 Z " fill="#FCFCFC" transform="translate(1141,2133)"/>
<path d="M0 0 C0.66 0 1.32 0 2 0 C3.52442111 2.64232992 5.04883879 5.28466182 6.57324219 7.92700195 C7.91107659 10.24588208 9.24895852 12.5647347 10.58691406 14.88354492 C13.78837281 20.43214613 16.98943575 25.98097335 20.18809509 31.53118896 C21.21632599 33.31530421 22.24473316 35.09931772 23.27319336 36.88330078 C24.56993098 39.13277301 25.86632936 41.38244085 27.16235352 43.63232422 C27.75330811 44.65729004 28.3442627 45.68225586 28.953125 46.73828125 C29.47036133 47.63587158 29.98759766 48.53346191 30.52050781 49.45825195 C31.97694912 52.03954056 31.97694912 52.03954056 33.75292969 54.51635742 C35.31581758 57.62897655 35.05570667 58.7252308 34 62 C33.27351154 64.09165187 32.50491458 66.16890284 31.70703125 68.234375 C31.24425781 69.4406958 30.78148438 70.6470166 30.3046875 71.88989258 C30.06073242 72.52085846 29.81677734 73.15182434 29.56542969 73.8019104 C28.30170958 77.07159153 27.05096685 80.34621819 25.80078125 83.62109375 C25.55542633 84.26330368 25.31007141 84.90551361 25.05728149 85.56718445 C22.66475428 91.84689918 20.4137785 98.16867136 18.21875 104.51953125 C16.87035121 108.37024702 15.44403759 112.18421462 14 116 C13.34 116 12.68 116 12 116 C11.5968457 114.76024414 11.19369141 113.52048828 10.77832031 112.24316406 C9.26541489 107.59116509 7.75193028 102.93935472 6.23828125 98.28759766 C5.58643343 96.28406738 4.93473735 94.28048774 4.28320312 92.27685547 C3.65042482 90.33096513 3.0172511 88.38520332 2.38366699 86.4395752 C1.76489234 84.53682081 1.14810081 82.63342034 0.5333252 80.72937012 C-1.29900906 75.07065387 -3.22087063 69.46126267 -5.37988281 63.91699219 C-7.18510488 55.42534128 -5.76498983 46.50125289 -4.6875 37.98828125 C-4.55432373 36.89404343 -4.42114746 35.7998056 -4.28393555 34.67240906 C-3.86212567 31.21831562 -3.43122426 27.76542939 -3 24.3125 C-2.71033273 21.95385024 -2.42126455 19.59512681 -2.1328125 17.23632812 C-1.42879424 11.49001624 -0.7173322 5.74466422 0 0 Z " fill="#FCFCFC" transform="translate(2850,1961)"/>
<path d="M0 0 C10.20431099 2.62769707 20.17757381 5.91220384 30.1875 9.1875 C31.91984347 9.75219371 33.65226476 10.31664873 35.38476562 10.88085938 C39.5907458 12.25115682 43.7956605 13.6246773 48 15 C46.58561715 19.24314854 43.44072292 20.86239415 39.9375 23.375 C34.10271582 27.64871485 28.39966297 32.03206447 22.8125 36.625 C17.02247374 41.37485558 11.1599109 45.99940216 5.20703125 50.54296875 C1.80145877 53.1440258 -1.57039565 55.78691993 -4.9375 58.4375 C-5.80979248 59.12416748 -5.80979248 59.12416748 -6.69970703 59.82470703 C-7.8779014 60.75259621 -9.05596099 61.68065654 -10.23388672 62.60888672 C-13.15371048 64.90874237 -16.07701819 67.2041604 -19 69.5 C-20.14845448 70.40232214 -21.29689191 71.30466598 -22.4453125 72.20703125 C-28.296875 76.8046875 -34.1484375 81.40234375 -40 86 C-40.33 85.34 -40.66 84.68 -41 84 C-40.19335938 81.85668945 -40.19335938 81.85668945 -38.84375 79.11328125 C-38.3266748 78.05197998 -37.80959961 76.99067871 -37.27685547 75.8972168 C-36.68469074 74.70225151 -36.09240116 73.50734809 -35.5 72.3125 C-34.88745624 71.06261206 -34.27566311 69.81235602 -33.66455078 68.56176758 C-32.26798098 65.7073359 -30.86637655 62.85543905 -29.46191406 60.00488281 C-26.65724163 54.30892602 -23.87180001 48.60361156 -21.0859375 42.8984375 C-17.0378277 34.61133329 -12.98712264 26.32551174 -8.9296875 18.04296875 C-8.4915976 17.1481076 -8.05350769 16.25324646 -7.60214233 15.33126831 C-5.09178943 10.20875113 -2.55809866 5.09884803 0 0 Z " fill="#FBFBFB" transform="translate(2256,3436)"/>
<path d="M0 0 C1.87981253 0.48661902 3.75964012 0.97318098 5.63978577 1.45851135 C9.12441368 2.37223039 12.59222461 3.3459902 16.0625 4.3125 C17.53105504 4.71777834 18.99972442 5.12264255 20.46850586 5.52709961 C24.01454892 6.50473008 27.55910332 7.48761917 31.10302734 8.47290039 C33.78679544 9.2186218 36.47153629 9.96081625 39.15625 10.703125 C43.10575606 11.79644882 47.05361741 12.89545691 51 14 C49.03300133 15.96699867 47.85865182 16.62885808 45.35498047 17.69238281 C44.60594452 18.01321838 43.85690857 18.33405396 43.08517456 18.66461182 C42.27073883 19.00732117 41.4563031 19.35003052 40.6171875 19.703125 C39.77012238 20.06339783 38.92305725 20.42367065 38.05032349 20.79486084 C36.24726928 21.56040641 34.44319012 22.32354168 32.63818359 23.08447266 C29.93193203 24.22598573 27.22941439 25.37597493 24.52734375 26.52734375 C21.01156383 28.02274179 17.48617831 29.49123982 13.95141602 30.94116211 C10.89867194 32.19356338 7.89233122 33.50177454 4.90600586 34.90454102 C-6.4560367 40.02993005 -16.95229161 39.34835819 -29.1875 38.4375 C-31.12415972 38.31912782 -33.0610129 38.20387826 -34.99804688 38.09179688 C-40.33565386 37.77325868 -45.66784168 37.39870788 -51 37 C-51.72979065 36.94596008 -52.4595813 36.89192017 -53.21148682 36.83624268 C-56.80857148 36.56857912 -60.40474396 36.29118742 -64 36 C-60.37380932 32.14802764 -56.53169278 29.1206118 -52.125 26.1875 C-50.70902158 25.23007387 -49.29369829 24.27167838 -47.87890625 23.3125 C-47.10691895 22.79042969 -46.33493164 22.26835938 -45.53955078 21.73046875 C-39.71032592 17.75839167 -33.94121895 13.69853714 -28.15869141 9.65893555 C-26.31192002 8.37145648 -24.45855265 7.09337778 -22.59814453 5.82568359 C-20.0037612 4.04965286 -20.0037612 4.04965286 -17.69482422 2.11572266 C-11.37458845 -2.83183033 -7.46950985 -2.20348795 0 0 Z " fill="#FCFCFC" transform="translate(1950,1296)"/>
<path d="M0 0 C0.28861021 4.80121511 0.57327978 9.60264278 0.85449219 14.40429688 C0.95044666 16.03359087 1.04742864 17.66282472 1.14550781 19.29199219 C1.66132371 27.87137903 2.13898081 36.40056265 2 45 C-6.48327081 49.41334934 -15.10505879 53.28510075 -23.93017578 56.9519043 C-26.02736043 57.82387598 -28.12122233 58.7034962 -30.21484375 59.58398438 C-41.34335519 64.23687905 -41.34335519 64.23687905 -45 65 C-45.99569697 58.30259725 -46.98881034 51.60482951 -47.9765625 44.90625 C-48.54258305 41.07091952 -49.11375138 37.23684923 -49.7109375 33.40625 C-50.66071839 27.18449693 -51.21709162 21.29565697 -51 15 C-42.31039059 11.98811473 -33.60681509 9.28255465 -24.72875977 6.88720703 C-18.37070283 5.15250585 -12.1594539 3.09797467 -5.94140625 0.91796875 C-3 0 -3 0 0 0 Z " fill="#FCFCFC" transform="translate(1317,1556)"/>
<path d="M0 0 C5.75667703 4.11098606 10.95082033 8.63298846 16.1484375 13.4296875 C18.84657874 15.8617107 21.60712267 18.16177874 24.4375 20.4375 C29.55031269 24.56427024 34.37291508 28.94157147 39.1875 33.40625 C42.26861235 36.24772028 45.40519297 39.01526017 48.57421875 41.7578125 C49.40443006 42.48111988 50.2214037 43.2214037 51 44 C51.10163958 46.71166717 51.13951102 49.39725493 51.1328125 52.109375 C51.13479141 53.35560638 51.13479141 53.35560638 51.1368103 54.62701416 C51.138732 57.33471367 51.13238894 60.04231097 51.125 62.75 C51.12367065 64.11608398 51.12367065 64.11608398 51.12231445 65.50976562 C51.10712874 78.69563388 50.90309321 91.84064187 50 105 C45.75045671 100.96372375 42.19150544 96.58120257 38.625 91.9375 C38.02502197 91.16108154 37.42504395 90.38466309 36.80688477 89.5847168 C29.77894997 80.46211771 22.81727112 71.28134502 16 62 C15.5902594 61.49535721 15.1805188 60.99071442 14.75836182 60.47077942 C11.23592439 55.95052822 9.88699848 51.94206788 8.8671875 46.34765625 C8.7038089 45.52986191 8.5404303 44.71206757 8.37210083 43.86949158 C7.85680019 41.27004044 7.36557597 38.66671746 6.875 36.0625 C6.53933377 34.35060221 6.20210563 32.6390099 5.86328125 30.92773438 C4.88460296 25.95632718 3.93745895 20.97932516 3 16 C2.84825317 15.19568542 2.69650635 14.39137085 2.54016113 13.56268311 C1.68805767 9.04278465 0.84141241 4.52190041 0 0 Z " fill="#FCFCFC" transform="translate(2767,1717)"/>
<path d="M0 0 C18.03185845 -0.11055186 35.99113592 -0.06832245 54 1 C51.68293045 11.09144766 48.86218932 20.98120881 45.8125 30.875 C45.45542969 32.03435059 45.09835937 33.19370117 44.73046875 34.38818359 C42.13955381 42.72089238 42.13955381 42.72089238 41 45 C38.39857446 45.39563507 35.88449864 45.66185464 33.265625 45.8515625 C32.08211456 45.94719986 32.08211456 45.94719986 30.87469482 46.04476929 C29.19367273 46.17857674 27.51227356 46.30771416 25.83056641 46.43261719 C23.30140959 46.62116738 20.77385015 46.82486204 18.24609375 47.03125 C9.14134202 47.75231828 0.13806955 48.20384608 -9 48 C-7.65610237 38.79464942 -6.06624559 29.65182453 -4.34057617 20.51220703 C-3.93153287 18.34336085 -3.52711635 16.173684 -3.12304688 14.00390625 C-2.86225077 12.61453232 -2.6011931 11.22520746 -2.33984375 9.8359375 C-2.10644287 8.59376465 -1.87304199 7.3515918 -1.63256836 6.07177734 C-1 3 -1 3 0 0 Z " fill="#FCFCFC" transform="translate(1478,1335)"/>
<path d="M0 0 C-3.23188283 4.14084987 -6.64510585 7.55175697 -10.63671875 10.95703125 C-13.43386123 13.3750569 -16.15650181 15.86956513 -18.875 18.375 C-23.41398656 22.55086763 -27.96435664 26.71167989 -32.58203125 30.80078125 C-34.22522347 32.29531634 -35.82634378 33.83716333 -37.38671875 35.41796875 C-41.52197185 39.49994967 -44.95751539 42.32698002 -50.60546875 43.90625 C-51.74717529 44.23407471 -52.88888184 44.56189941 -54.06518555 44.8996582 C-55.00580338 45.16161484 -55.00580338 45.16161484 -55.96542358 45.42886353 C-58.16037953 46.04502097 -60.34756292 46.68457263 -62.53442383 47.32885742 C-66.66691411 48.54583996 -70.80324144 49.74899996 -74.94140625 50.9465332 C-77.5241095 51.69448209 -80.10581305 52.44581728 -82.6875 53.19726562 C-84.34369054 53.67728854 -85.99993845 54.15711356 -87.65625 54.63671875 C-88.42086548 54.85962082 -89.18548096 55.08252289 -89.9732666 55.31217957 C-93.62787324 56.36637528 -97.25381497 57.33295348 -101 58 C-96.94341727 51.59486937 -92.454564 45.55374509 -87.88671875 39.51098633 C-82.89432054 32.89345849 -78.04087339 26.18023663 -73.203125 19.44921875 C-72.71317047 18.78832748 -72.22321594 18.12743622 -71.71841431 17.44651794 C-69.94267311 14.99459217 -69.94267311 14.99459217 -68.39683533 12.2277832 C-63.73596097 4.67557405 -63.73596097 4.67557405 -59.11911011 2.87886047 C-55.69451042 2.34603726 -52.39037993 2.14023594 -48.92578125 2.05078125 C-47.68378464 1.97756149 -46.44178802 1.90434174 -45.16215515 1.8289032 C-41.881352 1.64506415 -38.60285047 1.50664476 -35.3190918 1.39044189 C-31.98066125 1.26076749 -28.64640426 1.06912479 -25.31054688 0.88476562 C-7.85831572 -0.04409729 -7.85831572 -0.04409729 0 0 Z " fill="#FBFBFB" transform="translate(1752,1378)"/>
<path d="M0 0 C9.70624873 -0.14570706 19.33274113 0.24671713 29.01977539 0.79956055 C32.22500102 0.98242963 35.43069209 1.15646832 38.63638306 1.33096313 C40.20018033 1.41968678 41.7636627 1.5141617 43.32675171 1.61459351 C46.90206782 1.84393035 50.44844178 2.0212745 54.03173828 2.00830078 C62.78447088 2.1460935 62.78447088 2.1460935 66.18945312 4.53808594 C68.03511827 6.5889373 69.51115709 8.67911284 71 11 C72.05533093 12.40416827 73.11658694 13.80390216 74.18359375 15.19921875 C75.27152219 16.69291959 76.3560329 18.1891144 77.4375 19.6875 C83.49212861 28.00865188 89.70198095 36.19895294 96.02124023 44.32104492 C96.67165283 45.16513916 97.32206543 46.0092334 97.9921875 46.87890625 C98.86399658 48.00147827 98.86399658 48.00147827 99.75341797 49.14672852 C101 51 101 51 101 53 C93.1791088 51.73608554 85.66412593 49.90281728 78.0625 47.6875 C71.80424316 45.88213474 65.56307755 44.08839367 59.2109375 42.640625 C58.31753662 42.43477783 57.42413574 42.22893066 56.50366211 42.0168457 C54.85450888 41.64452712 53.20177301 41.28756156 51.54516602 40.94995117 C43.48909167 39.11567437 38.13212296 34.21568702 32.1875 28.6875 C28.75151794 25.5452813 25.25311962 22.54315664 21.625 19.625 C14.04815059 13.49238647 6.87516217 6.9099083 0 0 Z " fill="#FCFCFC" transform="translate(2395,1373)"/>
<path d="M0 0 C3.86819412 1.46727363 6.4890068 3.03282022 9.625 5.75 C15.66763019 10.82679995 21.98651734 15.47687766 28.36181641 20.12597656 C32.30934748 23.00706693 36.21901888 25.90020778 40 29 C38.65544302 32.54434427 37.08771656 35.80799193 35.234375 39.11328125 C34.68144775 40.10126709 34.12852051 41.08925293 33.55883789 42.10717773 C32.96192139 43.16493408 32.36500488 44.22269043 31.75 45.3125 C31.12665771 46.42117432 30.50331543 47.52984863 29.86108398 48.67211914 C24.53870635 58.10848938 19.0958922 67.47237823 13.61328125 76.81640625 C11.00350326 81.26914571 8.42152723 85.73684781 5.85546875 90.21484375 C5.3392672 91.11459175 5.3392672 91.11459175 4.81263733 92.03251648 C3.13716429 94.95314819 1.46472537 97.8753986 -0.20288086 100.80053711 C-0.80108643 101.84346924 -1.39929199 102.88640137 -2.015625 103.9609375 C-2.54446289 104.88696777 -3.07330078 105.81299805 -3.61816406 106.76708984 C-5 109 -5 109 -7 111 C-6.4574181 92.83320246 -5.44831972 74.74565715 -4.0625 56.625 C-3.88192509 54.21415335 -3.70191706 51.80326417 -3.52246094 49.39233398 C-3.25776887 45.83731105 -2.99276157 42.28231602 -2.72579956 38.72746277 C-2.03357846 29.50801197 -1.37752375 20.28655964 -0.75 11.0625 C-0.67015869 9.89219238 -0.59031738 8.72188477 -0.50805664 7.51611328 C-0.33771473 5.01080719 -0.16819238 2.50545115 0 0 Z " fill="#FCFCFC" transform="translate(823,2676)"/>
<path d="M0 0 C3.5978627 1.30134446 5.8419637 3.62372331 8.484375 6.32421875 C9.33773438 7.18853516 10.19109375 8.05285156 11.0703125 8.94335938 C11.95460938 9.84892578 12.83890625 10.75449219 13.75 11.6875 C19.14106684 17.18654815 24.49222682 22.60747469 30.41503906 27.53833008 C32 29 32 29 34 32 C27.20465876 37.00260046 20.13184187 41.42906973 12.91235352 45.78564453 C7.29627355 49.18097741 1.766922 52.68696303 -3.67285156 56.35888672 C-6.3744129 58.14211451 -7.68544951 59 -11 59 C-12.83984375 57.0859375 -12.83984375 57.0859375 -14.9375 54.375 C-15.73027344 53.37210938 -16.52304688 52.36921875 -17.33984375 51.3359375 C-17.76765137 50.79420898 -18.19545898 50.25248047 -18.63623047 49.69433594 C-21.01859328 46.73450817 -23.51424506 43.87298111 -26 41 C-28.00260766 38.66889694 -30.00164949 36.33475289 -32 34 C-32.46599609 33.45682129 -32.93199219 32.91364258 -33.41210938 32.35400391 C-34.69944724 30.84700125 -35.97505683 29.33000312 -37.25 27.8125 C-37.97703125 26.95269531 -38.7040625 26.09289063 -39.453125 25.20703125 C-41 23 -41 23 -41 20 C-39.82904785 19.42967041 -38.6580957 18.85934082 -37.45166016 18.27172852 C-33.11681102 16.16034224 -28.78202819 14.04881986 -24.44726562 11.93725586 C-22.56935411 11.02250502 -20.69142449 10.10779133 -18.81347656 9.19311523 C-16.11779117 7.88014281 -13.4221704 6.56703778 -10.7265625 5.25390625 C-9.88380768 4.84346573 -9.04105286 4.43302521 -8.17276001 4.01014709 C-7.39210175 3.62982834 -6.61144348 3.24950958 -5.80712891 2.85766602 C-5.11873932 2.52235367 -4.43034973 2.18704132 -3.72109985 1.84156799 C-2.47781758 1.23363896 -1.23784604 0.61892302 0 0 Z " fill="#FCFCFC" transform="translate(1940,2988)"/>
<path d="M0 0 C0.63724503 0.43557724 1.27449005 0.87115448 1.93104553 1.31993103 C3.98442603 2.72690093 6.02731936 4.14831266 8.0703125 5.5703125 C9.47143039 6.53440162 10.87320579 7.49753587 12.27563477 8.4597168 C15.65916205 10.78406451 19.03494194 13.1193644 22.40838623 15.45831299 C24.86448075 17.15854415 27.32809566 18.84768411 29.79296875 20.53515625 C33.26645895 22.91323509 36.73384243 25.29977325 40.1953125 27.6953125 C36.33431273 30.26931235 32.84730184 30.25301557 28.34765625 30.546875 C27.46235733 30.61063324 26.57705841 30.67439148 25.66493225 30.74008179 C23.78139593 30.87364308 21.8975432 31.00280325 20.01342773 31.12792969 C17.19487576 31.31616759 14.377818 31.52013629 11.56054688 31.7265625 C6.96592387 32.05581904 2.3704884 32.31451788 -2.2300415 32.54534912 C-4.60408473 32.68362815 -6.96211173 32.8889354 -9.32958984 33.10986328 C-23.25484248 34.11899216 -34.72619995 28.74290914 -47.3046875 23.3203125 C-49.46888851 22.41907574 -51.63424883 21.52061765 -53.80078125 20.625 C-57.72375442 18.98826512 -61.64487762 17.34817071 -65.54882812 15.66650391 C-66.71315369 15.1668663 -66.71315369 15.1668663 -67.90100098 14.65713501 C-69.8046875 13.6953125 -69.8046875 13.6953125 -71.8046875 11.6953125 C-65.03874376 8.98399034 -58.16413704 7.09825989 -51.1171875 5.2578125 C-40.72708173 2.51292077 -40.72708173 2.51292077 -30.4296875 -0.5546875 C-26.42596528 -1.8130002 -22.41833852 -3.01948801 -18.3671875 -4.1171875 C-16.97693359 -4.49810547 -16.97693359 -4.49810547 -15.55859375 -4.88671875 C-9.23934255 -5.84581078 -5.03946613 -3.54314262 0 0 Z " fill="#FBFBFB" transform="translate(2217.8046875,1298.3046875)"/>
<path d="M0 0 C1.5742173 0.00503204 3.14843619 0.00959189 4.72265625 0.01367188 C8.52347768 0.0245264 12.32422056 0.04169398 16.125 0.0625 C19.25041067 20.9839923 22.30502728 41.91570685 25.15374756 62.87686157 C25.42590976 64.8731309 25.70068398 66.86904589 25.97808838 68.86459351 C26.36657146 71.66528211 26.74518308 74.4671312 27.12109375 77.26953125 C27.2384639 78.10316193 27.35583405 78.9367926 27.47676086 79.79568481 C27.96524177 83.5167277 28.19399855 86.46599832 27.125 90.0625 C26.51551514 89.14573486 25.90603027 88.22896973 25.27807617 87.28442383 C19.37349643 78.41061707 13.42292867 69.56942103 7.4375 60.75 C5.61039413 58.05618142 3.78368211 55.36209589 1.95703125 52.66796875 C1.48786285 51.97609467 1.01869446 51.28422058 0.53530884 50.57138062 C-3.04030715 45.29722415 -6.60917539 40.01853392 -10.17578125 34.73828125 C-11.22110295 33.19115733 -12.26643166 31.64403815 -13.31176758 30.09692383 C-14.83078756 27.84868535 -16.34952086 25.60025628 -17.86727905 23.35116577 C-19.27527839 21.26480244 -20.68441259 19.17920962 -22.09375 17.09375 C-22.50438187 16.4845723 -22.91501373 15.87539459 -23.33808899 15.24775696 C-25.39646178 12.20405885 -27.49808265 9.20927659 -29.67382812 6.24804688 C-31.875 3.0625 -31.875 3.0625 -31.875 1.0625 C-21.22196336 0.11473235 -10.68493622 -0.06030901 0 0 Z " fill="#FBFBFB" transform="translate(1486.875,3323.9375)"/>
<path d="M0 0 C7.93694028 2.53168044 15.57449026 5.58019074 23.19433594 8.94580078 C28.58586167 11.29777038 33.745076 13.27528376 39.48046875 14.61328125 C54.07327223 18.43673304 54.07327223 18.43673304 58.09753418 24.71124268 C62.97302135 34.058419 65.41891695 44.56324649 67.92041016 54.74121094 C69.25046778 60.11774805 71.01255234 65.32798003 72.8125 70.5625 C75.15781985 77.52654045 75.15781985 77.52654045 74 81 C73.21463867 80.46632813 72.42927734 79.93265625 71.62011719 79.3828125 C68.64586471 77.36194174 65.67114063 75.34176607 62.69628906 73.32177734 C61.42012296 72.45509856 60.14407703 71.5882428 58.86816406 70.72119141 C57.01140088 69.45946966 55.15416497 68.19844613 53.296875 66.9375 C52.68235474 66.51968262 52.06783447 66.10186523 51.43469238 65.67138672 C48.51916548 63.69262869 45.59649008 61.72783282 42.64648438 59.80078125 C32.6550475 53.25617195 26.58678113 48.25100738 20.9375 37.625 C19.8196028 35.58229542 18.69974018 33.54066547 17.578125 31.5 C16.7109082 29.91251953 16.7109082 29.91251953 15.82617188 28.29296875 C12.11827235 21.6068526 8.20198374 15.0404405 4.31811523 8.45556641 C3.75294189 7.49312012 3.18776855 6.53067383 2.60546875 5.5390625 C2.10168701 4.68521973 1.59790527 3.83137695 1.07885742 2.95166016 C0 1 0 1 0 0 Z " fill="#FCFCFC" transform="translate(2615,1517)"/>
<path d="M0 0 C7.53898785 -0.22206674 14.91793948 0.63223717 22.40234375 1.4609375 C23.80746213 1.61343921 25.21261942 1.76558272 26.61781311 1.91738892 C30.30894794 2.31721442 33.99948995 2.72227909 37.68994141 3.12835693 C40.65801708 3.45406826 43.62648989 3.77606509 46.59499168 4.09786606 C61.07076542 5.66718789 75.54511164 7.24680468 90 9 C86.7617254 11.15884973 83.52257037 12.36766806 79.88671875 13.65234375 C79.17366074 13.90807663 78.46060272 14.16380951 77.72593689 14.42729187 C76.18626833 14.97902537 74.64594389 15.52893128 73.1050415 16.07720947 C69.82963339 17.24277481 66.55744608 18.41725389 63.28509521 19.59136963 C61.61227633 20.19153256 59.93930144 20.79126086 58.26617432 21.39056396 C50.70592596 24.09987051 43.16283978 26.85397351 35.625 29.625 C34.43390625 30.06231445 33.2428125 30.49962891 32.015625 30.95019531 C26.22865677 33.0757331 20.44305463 35.20496149 14.65802002 37.33575439 C11.84637073 38.37101301 9.03427454 39.40505408 6.22210693 40.43890381 C4.22329293 41.17433065 2.22516499 41.91160019 0.22705078 42.64892578 C-0.96807129 43.08833496 -2.16319336 43.52774414 -3.39453125 43.98046875 C-4.45518799 44.37129639 -5.51584473 44.76212402 -6.60864258 45.16479492 C-9 46 -9 46 -10 46 C-9.29339753 38.93397527 -7.75578765 32.15499355 -6.125 25.25 C-5.74021484 23.59484375 -5.74021484 23.59484375 -5.34765625 21.90625 C-3.63779045 14.58561852 -1.84421817 7.28787557 0 0 Z " fill="#FBFBFB" transform="translate(3138,2949)"/>
<path d="M0 0 C1.08086961 3.24260884 0.92061748 4.37728896 0.2578125 7.640625 C0.07863281 8.54683594 -0.10054687 9.45304687 -0.28515625 10.38671875 C-0.47980469 11.33160156 -0.67445312 12.27648438 -0.875 13.25 C-1.24887827 15.10907748 -1.62130419 16.96844771 -1.9921875 18.828125 C-2.26349487 20.1594043 -2.26349487 20.1594043 -2.5402832 21.51757812 C-2.93257786 23.63592763 -3.186071 25.77919315 -3.41015625 27.921875 C-4.08689424 31.45346133 -4.93376665 32.61304838 -7.5625 35 C-8.29082031 35.67417969 -9.01914063 36.34835937 -9.76953125 37.04296875 C-10.87361328 38.01169922 -10.87361328 38.01169922 -12 39 C-12.62261719 39.55300781 -13.24523438 40.10601563 -13.88671875 40.67578125 C-15.1660897 41.79958927 -16.45160428 42.91642996 -17.7421875 44.02734375 C-20.49446488 46.43201516 -23.1862632 48.89991795 -25.875 51.375 C-31.21611987 56.28819384 -36.59795788 61.15379501 -42 66 C-43.66692647 67.49971128 -45.33359149 68.99971321 -47 70.5 C-48.22396484 71.60021484 -48.22396484 71.60021484 -49.47265625 72.72265625 C-51.23406016 74.30982546 -52.99158153 75.90130953 -54.74609375 77.49609375 C-55.63425781 78.30175781 -56.52242187 79.10742188 -57.4375 79.9375 C-58.24058594 80.66839844 -59.04367187 81.39929687 -59.87109375 82.15234375 C-62 84 -62 84 -65 86 C-65.29899172 82.36938623 -65.53920132 78.74418418 -65.703125 75.10546875 C-65.87757566 71.38804343 -66.27264024 67.74288346 -66.734375 64.05078125 C-68.21444638 49.03018467 -68.21444638 49.03018467 -64.453125 43.88330078 C-60.08572194 39.88450482 -54.94757401 37.21024934 -49.72412109 34.49072266 C-45.24948252 32.04206312 -41.19167583 29.04538811 -37.0625 26.0625 C-35.40531868 24.89605723 -33.74645106 23.73200668 -32.0859375 22.5703125 C-31.25674805 21.98797852 -30.42755859 21.40564453 -29.57324219 20.80566406 C-26.89700248 18.92772584 -24.21839036 17.05321679 -21.5390625 15.1796875 C-20.6430835 14.55312256 -19.74710449 13.92655762 -18.82397461 13.28100586 C-17.11916999 12.08895292 -15.4142617 10.89704825 -13.70922852 9.70532227 C-9.12108569 6.49538311 -4.55078088 3.26270939 0 0 Z " fill="#FBFBFB" transform="translate(1397,1672)"/>
<path d="M0 0 C2.04495841 2.04495841 2.61667037 3.20825262 3.62890625 5.85351562 C3.93714325 6.65122375 4.24538025 7.44893188 4.56295776 8.27081299 C5.05773117 9.57535431 5.05773117 9.57535431 5.5625 10.90625 C6.08446457 12.26275665 6.08446457 12.26275665 6.61697388 13.64666748 C7.75022238 16.59567664 8.87564886 19.54758814 10 22.5 C11.15512225 25.52386937 12.31109659 28.54741169 13.46731567 31.57086182 C14.23336116 33.57430284 14.99872272 35.57800551 15.76339722 37.58197021 C17.91787549 43.21722819 20.11643807 48.83075597 22.3828125 54.421875 C22.85589844 55.60201172 23.32898437 56.78214844 23.81640625 57.99804688 C24.66175365 60.09879826 25.52024435 62.19432997 26.39453125 64.28320312 C28.670009 69.99584991 29.5903821 74.02245573 28 80 C27.7927832 80.79083984 27.58556641 81.58167969 27.37207031 82.39648438 C26.64801645 84.98877599 25.86551001 87.55613826 25.0625 90.125 C24.79759766 90.99253906 24.53269531 91.86007813 24.25976562 92.75390625 C22.8992675 97.18987285 21.49111341 101.60589768 20 106 C17.96368555 103.40214429 16.31758309 100.86704634 14.87109375 97.90234375 C14.48147461 97.11150391 14.09185547 96.32066406 13.69042969 95.50585938 C13.27696289 94.65830078 12.86349609 93.81074219 12.4375 92.9375 C9.13244846 86.24035825 5.76205162 79.5908827 2.25 73 C-2.14353349 64.7280802 -6.36930346 56.37463996 -10.5625 48 C-10.87626587 47.37496582 -11.19003174 46.74993164 -11.51330566 46.10595703 C-12.40832444 44.32179925 -13.29993341 42.53593219 -14.19140625 40.75 C-14.70904541 39.71359375 -15.22668457 38.6771875 -15.76000977 37.609375 C-17 35 -17 35 -18 32 C-16.77734375 29.50390625 -16.77734375 29.50390625 -14.9375 26.5625 C-12.38373206 22.36376027 -10.0256233 18.1691659 -7.875 13.75 C-5.52385015 8.94657558 -2.92574576 4.47466998 0 0 Z " fill="#FBFBFB" transform="translate(1265,2042)"/>
<path d="M0 0 C5.10893807 1.48262421 7.95483728 4.58225698 11.55078125 8.29296875 C12.16841843 8.91722244 12.7860556 9.54147614 13.42240906 10.18464661 C15.39302392 12.17860185 17.35321287 14.18241823 19.3125 16.1875 C21.88811993 18.80975772 24.46804009 21.4277255 27.05078125 24.04296875 C27.6722403 24.67306351 28.29369934 25.30315826 28.93399048 25.9523468 C32.5012029 29.55021941 36.14196267 32.97167388 40.01245117 36.24389648 C44.723044 40.40595203 49.0757089 44.97496894 53.5 49.4375 C54.52320139 50.4657298 55.54663733 51.49372626 56.5703125 52.52148438 C59.04957999 55.01164338 61.52567538 57.50492833 64 60 C60.32443512 61.22518829 59.13077991 60.63810953 55.49169922 59.45214844 C53.78835419 58.90415588 53.78835419 58.90415588 52.05059814 58.34509277 C50.81444763 57.93730591 49.57829712 57.52951904 48.3046875 57.109375 C47.00746477 56.68825849 45.70999468 56.26790327 44.41229248 55.8482666 C40.94467887 54.72443009 37.48077426 53.58954947 34.01752472 52.4523468 C30.46339747 51.28725877 26.90604097 50.13211353 23.34912109 48.97558594 C4.20225077 42.74360452 -14.92743118 36.45617154 -34 30 C-32.64272489 26.87784572 -31.21718037 25.06836881 -28.578125 22.93359375 C-27.88847656 22.37051514 -27.19882813 21.80743652 -26.48828125 21.22729492 C-25.74964844 20.6366626 -25.01101562 20.04603027 -24.25 19.4375 C-23.49589844 18.82559814 -22.74179688 18.21369629 -21.96484375 17.58325195 C-15.88145309 12.66222343 -9.73823557 7.81619121 -3.5625 3.01171875 C-1.19854243 1.23839123 -1.19854243 1.23839123 0 0 Z " fill="#FAFAFA" transform="translate(2384,3419)"/>
<path d="M0 0 C3.13629137 1.29401553 6.22696448 2.61589198 9.29736328 4.0625 C9.9371965 4.36234299 10.57702972 4.66218597 11.23625183 4.97111511 C13.27339853 5.92744899 15.30681834 6.89143799 17.34033203 7.85546875 C18.69492347 8.49201818 20.04973926 9.12809043 21.40478516 9.76367188 C27.81889497 12.77842414 34.20946556 15.83119988 40.52783203 19.04296875 C36.43229839 24.61550371 32.14870493 29.98680244 27.71533203 35.29296875 C22.09817692 42.05844384 16.70485365 48.9348359 11.52783203 56.04296875 C7.13772524 54.46133543 3.23732055 52.22128167 -0.74951172 49.83203125 C-1.43848038 49.42262299 -2.12744904 49.01321472 -2.83729553 48.59140015 C-4.28975502 47.72733892 -5.74118809 46.86155027 -7.19165039 45.99414062 C-9.3967388 44.67569921 -11.60504731 43.3627951 -13.81396484 42.05078125 C-15.23017405 41.20735622 -16.64619588 40.36361644 -18.06201172 39.51953125 C-18.71531967 39.13084869 -19.36862762 38.74216614 -20.04173279 38.34170532 C-23.92957943 36.01402274 -27.72156995 33.58619978 -31.47216797 31.04296875 C-29.80995012 26.80782586 -26.68013509 23.89186413 -23.54638672 20.7109375 C-22.96178177 20.1149324 -22.37717682 19.51892731 -21.77485657 18.90486145 C-20.53950301 17.65065774 -19.30124869 16.39930545 -18.06030273 15.15063477 C-16.16263439 13.23346566 -14.28733476 11.29604432 -12.41162109 9.35742188 C-11.20786733 8.1406155 -10.00283151 6.92507581 -8.79638672 5.7109375 C-8.23787521 5.12773239 -7.67936371 4.54452728 -7.10392761 3.94364929 C-3.17116935 0.05511809 -3.17116935 0.05511809 0 0 Z " fill="#FBFBFB" transform="translate(2239.47216796875,2987.95703125)"/>
<path d="M0 0 C1.56610107 2.29042053 1.56610107 2.29042053 3.08105469 5.36743164 C3.65555359 6.51695816 4.23005249 7.66648468 4.82196045 8.85084534 C5.43887166 10.12048301 6.05550228 11.39025706 6.671875 12.66015625 C7.31836865 13.96622222 7.96611518 15.2716687 8.61505127 16.57652283 C10.32752974 20.02824982 12.02308676 23.48802669 13.71520996 26.94976807 C15.40974171 30.40949535 17.11940272 33.86171862 18.828125 37.31445312 C21.42356319 42.56288014 24.01113377 47.81509409 26.59179688 53.07080078 C30.35518563 60.73365009 34.16266233 68.3739474 38 76 C33.70204772 76 31.38702342 73.5352182 28.125 71 C27.42737549 70.46745605 26.72975098 69.93491211 26.01098633 69.38623047 C24.48267131 68.2185704 22.95682313 67.04767641 21.43310547 65.87402344 C17.19545631 62.61010663 12.94059865 59.36874258 8.6875 56.125 C7.79820801 55.44566406 6.90891602 54.76632813 5.99267578 54.06640625 C-0.55205572 49.07588572 -7.15960518 44.17801119 -13.80004883 39.31591797 C-21.01558061 34.01962823 -28.13291801 28.59778448 -35.23632812 23.15234375 C-36.07615234 22.50910156 -36.91597656 21.86585938 -37.78125 21.203125 C-38.52439453 20.63239258 -39.26753906 20.06166016 -40.03320312 19.47363281 C-41.65003607 18.2622123 -43.31899306 17.12067129 -45 16 C-45 15.34 -45 14.68 -45 14 C-39.6433662 12.02390271 -34.28650905 10.0484125 -28.92944336 8.07348633 C-27.10679053 7.40145308 -25.28419901 6.72925353 -23.46166992 6.05688477 C-20.84309708 5.09087164 -18.22430486 4.1254554 -15.60546875 3.16015625 C-14.78974899 2.85908463 -13.97402924 2.558013 -13.1335907 2.24781799 C-12.37302872 1.967603 -11.61246674 1.687388 -10.82885742 1.39868164 C-10.16045334 1.15219376 -9.49204926 0.90570587 -8.8033905 0.65174866 C-3.12612153 -1.40002683 -3.12612153 -1.40002683 0 0 Z " fill="#FAFAFA" transform="translate(1937,3447)"/>
<path d="M0 0 C0 4.20396508 -2.22340696 6.69157387 -4.5 10.0625 C-9.40092904 17.4731659 -14.11185548 24.98476558 -18.75 32.5625 C-25.84584789 44.13753861 -33.00772729 55.66895135 -40.22607422 67.16796875 C-42.0023554 70.00376035 -43.76949085 72.84508917 -45.53515625 75.6875 C-46.62744095 77.43760188 -47.71988065 79.18760703 -48.8125 80.9375 C-49.31040039 81.7430835 -49.80830078 82.54866699 -50.32128906 83.37866211 C-51.00723145 84.47319702 -51.00723145 84.47319702 -51.70703125 85.58984375 C-52.1038208 86.22784912 -52.50061035 86.86585449 -52.90942383 87.52319336 C-54 89 -54 89 -56 90 C-58.573055 84.38094668 -61.13626186 78.75754661 -63.69042969 73.12988281 C-64.5607789 71.21589339 -65.43381075 69.30312149 -66.30957031 67.39160156 C-67.56761956 64.6444328 -68.81596886 61.89303565 -70.0625 59.140625 C-70.45622803 58.28631897 -70.84995605 57.43201294 -71.25561523 56.55181885 C-71.61598877 55.75129089 -71.9763623 54.95076294 -72.34765625 54.12597656 C-72.66742432 53.42426331 -72.98719238 52.72255005 -73.31665039 51.99957275 C-74 50 -74 50 -74 46 C-71.52630299 44.18533086 -69.15746607 42.69088249 -66.5 41.1875 C-64.83492424 40.208753 -63.17091564 39.22818892 -61.5078125 38.24609375 C-60.16638184 37.46081299 -60.16638184 37.46081299 -58.79785156 36.65966797 C-53.93658012 33.77599229 -49.16005852 30.75785153 -44.375 27.75 C-42.34130056 26.47631541 -40.30744422 25.20288131 -38.2734375 23.9296875 C-37.24831055 23.28741211 -36.22318359 22.64513672 -35.16699219 21.98339844 C-29.78047087 18.60997112 -24.39002362 15.2428274 -19 11.875 C-17.06248218 10.66409101 -15.12498122 9.45315505 -13.1875 8.2421875 C-10.63802083 6.64876302 -8.08854167 5.05533854 -5.5390625 3.46191406 C-4.80429688 3.00268555 -4.06953125 2.54345703 -3.3125 2.0703125 C-1.6728125 1.04550781 -1.6728125 1.04550781 0 0 Z " fill="#FBFBFB" transform="translate(3511,2079)"/>
<path d="M0 0 C1.47262975 2.02717652 2.67028034 3.94477347 3.875 6.125 C4.65076773 7.47356409 5.42823406 8.82115191 6.20703125 10.16796875 C6.63967285 10.92255371 7.07231445 11.67713867 7.51806641 12.45458984 C10.45344515 17.49647762 13.51945721 22.46014379 16.5625 27.4375 C17.79320593 29.45688672 19.02369325 31.4764067 20.25390625 33.49609375 C21.16920317 34.99743708 22.08454041 36.49875585 23 38 C20.05153428 40.94846572 16.34834149 41.65188751 12.44921875 42.85546875 C11.17278252 43.25431023 11.17278252 43.25431023 9.87055969 43.66120911 C8.06845958 44.22170315 6.26529953 44.77879883 4.46118164 45.33276367 C1.70490251 46.18213725 -1.04494126 47.05040466 -3.79492188 47.91992188 C-5.54651351 48.46210671 -7.29845596 49.00315976 -9.05078125 49.54296875 C-9.87177811 49.80434128 -10.69277496 50.06571381 -11.53865051 50.33500671 C-19.10457241 52.62116962 -19.10457241 52.62116962 -23 51 C-24.6940918 49.34863281 -24.6940918 49.34863281 -26.19921875 47.203125 C-26.76431152 46.41478271 -27.3294043 45.62644043 -27.91162109 44.81420898 C-28.49766113 43.96802002 -29.08370117 43.12183105 -29.6875 42.25 C-30.92185917 40.51598817 -32.15754455 38.78291967 -33.39453125 37.05078125 C-34.00119629 36.19436035 -34.60786133 35.33793945 -35.23291016 34.45556641 C-38.45014141 29.98486843 -41.88472943 25.68727877 -45.3046875 21.37109375 C-47 19 -47 19 -47 17 C-40.95611631 14.40225585 -34.90486928 11.82229977 -28.84814453 9.25463867 C-26.78813135 8.37884899 -24.72984573 7.49898424 -22.67333984 6.61499023 C-19.71895705 5.34587404 -16.75869444 4.09148834 -13.796875 2.83984375 C-12.87694763 2.44095444 -11.95702026 2.04206512 -11.00921631 1.63108826 C-10.1486261 1.27063919 -9.28803589 0.91019012 -8.40136719 0.53881836 C-7.64635925 0.21682968 -6.89135132 -0.105159 -6.11346436 -0.43690491 C-3.62737387 -1.09927962 -2.36959977 -0.97379925 0 0 Z " fill="#FCFCFC" transform="translate(2383,1169)"/>
<path d="M0 0 C1.30743164 0.13132324 2.61486328 0.26264648 3.96191406 0.39794922 C13.22275674 1.32691124 22.48374187 2.25136515 31.75 3.125 C32.66136719 3.21136719 33.57273437 3.29773437 34.51171875 3.38671875 C36.67443546 3.5916077 38.83721046 3.79588131 41 4 C40.33377904 9.29478714 38.72488322 13.99302994 36.91015625 18.9765625 C36.45327675 20.24806656 36.45327675 20.24806656 35.98716736 21.54525757 C35.34486013 23.32954818 34.70008207 25.11295106 34.05297852 26.89550781 C33.06396244 29.62096991 32.0831238 32.34926914 31.10351562 35.078125 C30.47704107 36.81527683 29.85010369 38.55226183 29.22265625 40.2890625 C28.92988297 41.10267242 28.63710968 41.91628235 28.33546448 42.75454712 C28.0585527 43.51568817 27.78164093 44.27682922 27.49633789 45.06103516 C27.25508682 45.72688629 27.01383575 46.39273743 26.76527405 47.07876587 C25.95310306 49.1177356 25.00735143 51.05102162 24 53 C15.81854558 51.55021709 7.66485708 49.97023107 -0.48242188 48.34057617 C-2.52432862 47.93263958 -4.56683639 47.52780637 -6.609375 47.12304688 C-7.90359375 46.86458984 -9.1978125 46.60613281 -10.53125 46.33984375 C-11.70236328 46.10644287 -12.87347656 45.87304199 -14.08007812 45.63256836 C-17 45 -17 45 -20 44 C-19.37629137 38.8418841 -17.02446962 34.57269128 -14.74609375 29.98046875 C-14.32578384 29.12189774 -13.90547394 28.26332672 -13.47242737 27.3787384 C-12.13288931 24.64561667 -10.78532174 21.91654466 -9.4375 19.1875 C-8.52615984 17.33164178 -7.6153464 15.47552482 -6.70507812 13.61914062 C-4.4761458 9.07640546 -2.24000542 4.53728461 0 0 Z " fill="#FBFBFB" transform="translate(2525,2883)"/>
<path d="M0 0 C3.14890661 1.38896977 6.29350321 2.78745627 9.4375 4.1875 C10.31599609 4.57486328 11.19449219 4.96222656 12.09960938 5.36132812 C13.88107973 6.15674478 15.65374159 6.97215628 17.41748047 7.80615234 C19.93284133 9.01316486 19.93284133 9.01316486 22.35205078 9.85400391 C30.91728238 13.46522027 34.08893769 22.14474456 38 30 C38.82220782 31.61429678 39.64547027 33.2280568 40.46972656 34.84130859 C43.05850084 39.93854002 45.59469266 45.06105696 48.125 50.1875 C49.83311704 53.6407272 51.54422215 57.09245444 53.2578125 60.54296875 C53.66437073 61.36312469 54.07092896 62.18328064 54.48980713 63.02828979 C57.45724838 68.98644133 60.57259159 74.84530677 63.81591797 80.6574707 C65 83 65 83 65 85 C64.35023193 84.87955322 63.70046387 84.75910645 63.03100586 84.63500977 C57.96715138 83.70430932 52.90318611 82.8238359 47.81640625 82.02734375 C45.73148379 81.66571349 43.64684859 81.30242334 41.5625 80.9375 C40.50095703 80.78345703 39.43941406 80.62941406 38.34570312 80.47070312 C30.92259211 79.10612618 30.92259211 79.10612618 28.58129883 76.29907227 C27.48898045 73.90670415 26.74883407 71.52132008 26 69 C25.16065249 66.83975134 24.30655639 64.68520131 23.44140625 62.53515625 C22.47919901 60.04522078 21.51949484 57.55443263 20.5625 55.0625 C20.04463755 53.71829587 19.52664984 52.37413999 19.00854492 51.0300293 C17.62700391 47.44357439 16.24890562 43.85580483 14.87133789 40.26782227 C13.97861637 37.94434505 13.08426341 35.62150167 12.18945312 33.29882812 C10.6849027 29.39325271 9.18296722 25.48668182 7.68307495 21.57931519 C7.1049331 20.07394139 6.52610131 18.56883238 5.94656372 17.06399536 C5.1352605 14.95629518 4.32699904 12.84745326 3.51953125 10.73828125 C3.05651611 9.53212158 2.59350098 8.32596191 2.11645508 7.08325195 C1.25958137 4.71687143 0.53234516 2.45379627 0 0 Z " fill="#FBFBFB" transform="translate(1507,2645)"/>
<path d="M0 0 C14.47684399 4.9600329 28.73781573 10.45697601 43 16 C41.81594824 19.16483909 40.5607362 21.89250326 38.6015625 24.64453125 C38.12750977 25.31427979 37.65345703 25.98402832 37.16503906 26.67407227 C36.65682617 27.37975342 36.14861328 28.08543457 35.625 28.8125 C35.10131836 29.54718506 34.57763672 30.28187012 34.03808594 31.03881836 C28.48757961 38.78853513 22.76317129 46.40773712 17 54 C3.14298062 50.96877701 -10.41531156 47.06905935 -24 43 C-22.66910132 38.54871714 -20.9034667 34.83911117 -18.515625 30.859375 C-18.17754822 30.29228821 -17.83947144 29.72520142 -17.4911499 29.14093018 C-16.41617448 27.34065077 -15.33327556 25.54529448 -14.25 23.75 C-13.53853097 22.56151595 -12.82758924 21.37271607 -12.1171875 20.18359375 C-10.08481511 16.78502723 -8.04272878 13.39235258 -6 10 C-4.82776172 8.04709302 -3.6558451 6.09399288 -2.484375 4.140625 C-1.65625 2.76041667 -0.828125 1.38020833 0 0 Z " fill="#FCFCFC" transform="translate(1760,1181)"/>
<path d="M0 0 C1.21695702 3.65087107 0.67922871 5.29221285 -0.1875 9.01953125 C-0.61180298 10.87046387 -0.61180298 10.87046387 -1.04467773 12.75878906 C-1.36296332 14.1100626 -1.68140856 15.46129854 -2 16.8125 C-2.32499164 18.21696256 -2.64928111 19.62158777 -2.97290039 21.02636719 C-3.81071509 24.65403915 -4.65803713 28.27941342 -5.50860596 31.90411377 C-6.25804287 35.10060045 -7.00180069 38.29840603 -7.74609375 41.49609375 C-8.59126053 45.12342003 -9.43760612 48.75045286 -10.28735352 52.37670898 C-13.92433358 67.90259775 -17.45904676 83.45198361 -21 99 C-24 99 -24 99 -25.796875 97.53125 C-26.44140625 96.8609375 -27.0859375 96.190625 -27.75 95.5 C-28.80767578 94.40365234 -28.80767578 94.40365234 -29.88671875 93.28515625 C-32.41436168 90.55193792 -34.85850515 87.75643278 -37.28515625 84.93359375 C-39.49193232 82.44531549 -41.85048921 80.13772829 -44.22265625 77.80859375 C-47.30153988 74.6755759 -50.14730735 71.33825735 -53 68 C-51.5583206 63.56093065 -49.11219305 60.49690083 -46.0625 57.0625 C-42.14606706 52.54715904 -38.34957757 47.97405974 -34.6875 43.25 C-30.54764878 37.92369604 -26.30401093 32.69447582 -22 27.5 C-16.66689098 21.06089967 -11.44267219 14.54875112 -6.3046875 7.953125 C-4.22290755 5.28562391 -2.11969886 2.63741333 0 0 Z " fill="#FCFCFC" transform="translate(3430,1613)"/>
<path d="M0 0 C-3.22730766 3.30827953 -6.52734483 6.35039733 -10.125 9.25 C-11.09308594 10.03375 -12.06117188 10.8175 -13.05859375 11.625 C-14.02925781 12.40875 -14.99992187 13.1925 -16 14 C-17.73021117 15.41539079 -19.45938067 16.83205593 -21.1875 18.25 C-27.751185 23.62028772 -34.33563828 28.9649531 -40.91943359 34.31054688 C-43.61800805 36.5018324 -46.31597907 38.69385965 -49.01367188 40.88623047 C-50.33362588 41.95861198 -51.65393621 43.03055507 -52.97460938 44.10205078 C-56.45346889 46.92541091 -59.92499381 49.75721038 -63.38671875 52.6015625 C-64.46663086 53.48618164 -64.46663086 53.48618164 -65.56835938 54.38867188 C-66.94292808 55.5149314 -68.31545364 56.64369094 -69.68554688 57.77539062 C-70.30880859 58.28521484 -70.93207031 58.79503906 -71.57421875 59.3203125 C-72.11651123 59.76648926 -72.65880371 60.21266602 -73.2175293 60.67236328 C-75.38533913 62.28701194 -77.66620818 63.63955615 -80 65 C-80.4349307 60.3965978 -80.86177895 55.79253634 -81.28173828 51.18774414 C-81.42512541 49.62732646 -81.57056984 48.0670962 -81.71826172 46.50708008 C-82.61981444 36.96718035 -83.22809903 27.59177545 -83 18 C-81.82421387 17.73372803 -80.64842773 17.46745605 -79.43701172 17.19311523 C-43.02709069 9.25575445 -43.02709069 9.25575445 -6.83398438 0.42407227 C-4.52684767 -0.10940703 -2.35908285 -0.06553008 0 0 Z " fill="#FBFBFB" transform="translate(3437,2546)"/>
<path d="M0 0 C3.66434951 1.71025466 5.9345589 3.75997924 8.75 6.6875 C12.44335562 10.47359867 16.20396086 13.99862375 20.30859375 17.33203125 C24.14642466 21.11668206 25.4244973 24.97289623 26.16674805 30.22387695 C26.34670822 31.45898514 26.5266684 32.69409332 26.71208191 33.96662903 C26.89569485 35.30712495 27.07889695 36.6476772 27.26171875 37.98828125 C27.45839452 39.374562 27.65590265 40.76072489 27.85420227 42.14677429 C28.26692753 45.04833918 28.67213063 47.95081987 29.0715332 50.85424805 C29.58122363 54.55767368 30.10554257 58.25883468 30.63507366 61.9594698 C31.04365834 64.82174927 31.4463749 67.68482958 31.84717751 70.54820824 C32.03842221 71.91220832 32.23098217 73.27602472 32.42493248 74.63964272 C33.39176208 81.47002969 34.25927806 88.09624592 34 95 C26.83878035 92.46255997 20.47834833 88.09464621 14.00976562 84.18066406 C12.34739988 83.20408477 10.63929597 82.30583373 8.921875 81.4296875 C6.47743256 80.1128427 4.85775889 79.05863689 3 77 C2.45826721 74.51271057 2.45826721 74.51271057 2.31469727 71.59204102 C2.25476593 70.51955109 2.19483459 69.44706116 2.13308716 68.34207153 C2.0891684 67.23918793 2.04524963 66.13630432 2 65 C1.94939423 63.98324188 1.89878845 62.96648376 1.84664917 61.91891479 C1.69781254 58.74721917 1.57771939 55.5755148 1.46484375 52.40234375 C1.42186661 51.2468251 1.37888947 50.09130646 1.33460999 48.90077209 C1.2450898 46.47645901 1.15692593 44.05209549 1.07006836 41.62768555 C0.93772288 37.94370424 0.80023536 34.2599405 0.66210938 30.57617188 C0.57521521 28.20574035 0.48861671 25.83529797 0.40234375 23.46484375 C0.36173325 22.37807846 0.32112274 21.29131317 0.27928162 20.1716156 C0.04151327 13.44453737 -0.04837885 6.73113152 0 0 Z " fill="#FAFAFA" transform="translate(1357,2434)"/>
<path d="M0 0 C4.43314058 3.99581275 6.88665596 9.47098074 9.75 14.625 C10.36488281 15.68074219 10.97976563 16.73648438 11.61328125 17.82421875 C12.47759766 19.38462891 12.47759766 19.38462891 13.359375 20.9765625 C13.89014648 21.91580566 14.42091797 22.85504883 14.96777344 23.82275391 C16.38303295 28.17899498 15.80049502 31.5527304 15 36 C14.79130783 37.18326874 14.79130783 37.18326874 14.57839966 38.39044189 C14.10435869 40.9396412 13.59424486 43.47932672 13.07421875 46.01953125 C12.79092461 47.42751228 12.79092461 47.42751228 12.50190735 48.86393738 C11.90074923 51.84754124 11.29426384 54.83003167 10.6875 57.8125 C10.29195621 59.77010928 9.89677129 61.72779111 9.50195312 63.68554688 C8.72232084 67.54935367 7.94075107 71.41276059 7.15771484 75.27587891 C5.42187188 83.84725689 3.71103664 92.42364208 2 101 C-1.95360417 97.76498713 -5.2535039 94.72445653 -8.4375 90.6875 C-11.76307231 86.5164432 -15.18047921 82.49022562 -18.78515625 78.55859375 C-20 77 -20 77 -20 75 C-20.66 75 -21.32 75 -22 75 C-20.7228073 68.88328834 -19.17163167 62.91104099 -17.35546875 56.93359375 C-17.10380447 56.09643326 -16.8521402 55.25927277 -16.59284973 54.39674377 C-15.79408393 51.74274216 -14.99077915 49.09013857 -14.1875 46.4375 C-13.66052941 44.68693258 -13.13383475 42.93628208 -12.60742188 41.18554688 C-9.80957039 31.89580263 -6.96433876 22.62230949 -4.05322266 13.36743164 C-2.66318962 8.92312806 -1.32031533 4.46545674 0 0 Z " fill="#FAFAFA" transform="translate(1284,2180)"/>
<path d="M0 0 C2.61078362 10.63007948 5.13632563 21.27142028 7.3125 32 C7.48362305 32.82918945 7.65474609 33.65837891 7.83105469 34.51269531 C8.60371428 38.39848234 9.21692995 42.01491644 9 46 C-5.0220641 46.17358814 -18.99358774 45.63488981 -33 45 C-34.69221095 39.66194396 -36.38284379 34.32339167 -38.07202148 28.984375 C-38.64678383 27.16848269 -39.22197581 25.35272631 -39.79760742 23.53710938 C-40.62531947 20.92613849 -41.45148104 18.31468135 -42.27734375 15.703125 C-42.66332985 14.48728729 -42.66332985 14.48728729 -43.05711365 13.24688721 C-43.29728714 12.48640076 -43.53746063 11.72591431 -43.78491211 10.94238281 C-43.99587021 10.27619934 -44.20682831 9.61001587 -44.42417908 8.92364502 C-45.01150897 6.96155197 -45.51865638 4.99049815 -46 3 C-40.73502624 2.56864538 -35.46973024 2.14154685 -30.20410156 1.71826172 C-28.41559703 1.57390247 -26.62718332 1.42841302 -24.83886719 1.28173828 C-22.25739655 1.0702131 -19.67561856 0.86285448 -17.09375 0.65625 C-16.30383667 0.59062866 -15.51392334 0.52500732 -14.70007324 0.45739746 C-9.78292029 0.06889261 -4.93265288 -0.05895601 0 0 Z " fill="#FBFBFB" transform="translate(2663,1316)"/>
<path d="M0 0 C1.88496223 5.60008465 3.75420398 11.20508046 5.60913086 16.81518555 C6.24221315 18.72253847 6.87955227 20.62848401 7.52124023 22.53295898 C8.44339423 25.27227777 9.35007077 28.01630965 10.25390625 30.76171875 C10.54342667 31.61086349 10.83294708 32.46000824 11.13124084 33.33488464 C12.16915656 36.52603936 12.95728312 39.4355835 13.2109375 42.78710938 C11.1058649 46.63395979 7.24097248 47.86550991 3.37109375 49.64453125 C2.50686295 50.05918137 1.64263214 50.47383148 0.75221252 50.90104675 C-2.01149485 52.22219588 -4.78647283 53.51746857 -7.5625 54.8125 C-9.43764672 55.70340096 -11.31200697 56.59595928 -13.18554688 57.49023438 C-17.78145773 59.67949615 -22.38763834 61.84562681 -27 64 C-29.49236796 61.50763204 -29.67282016 59.85710211 -30.4375 56.43359375 C-30.69273437 55.30759766 -30.94796875 54.18160156 -31.2109375 53.02148438 C-31.47132813 51.83876953 -31.73171875 50.65605469 -32 49.4375 C-32.26039063 48.28185547 -32.52078125 47.12621094 -32.7890625 45.93554688 C-33.29906597 43.66757688 -33.80438351 41.39854734 -34.3046875 39.12841797 C-34.73499174 37.19235108 -35.17564721 35.25851396 -35.6328125 33.32861328 C-35.81585937 32.55114746 -35.99890625 31.77368164 -36.1875 30.97265625 C-36.34605469 30.316604 -36.50460938 29.66055176 -36.66796875 28.98461914 C-37.07737004 26.53754332 -37.28121074 24.47555199 -37 22 C-35.50976562 20.48950195 -35.50976562 20.48950195 -33.40625 19.23828125 C-32.63015381 18.76358398 -31.85405762 18.28888672 -31.05444336 17.79980469 C-29.7899939 17.06358887 -29.7899939 17.06358887 -28.5 16.3125 C-26.76161956 15.26188285 -25.02334009 14.21109862 -23.28515625 13.16015625 C-22.40359863 12.63566895 -21.52204102 12.11118164 -20.61376953 11.57080078 C-18.13397313 10.08051402 -15.68575007 8.55103388 -13.24609375 6.99609375 C-12.51777344 6.53227295 -11.78945312 6.06845215 -11.0390625 5.59057617 C-9.65936211 4.71047222 -8.28042973 3.82916289 -6.90234375 2.9465332 C-2.22395322 0 -2.22395322 0 0 0 Z " fill="#FBFBFB" transform="translate(2957,2424)"/>
<path d="M0 0 C4.97961379 1.65987126 9.0097756 4.5119603 13.3125 7.4375 C14.09488037 7.96520996 14.87726074 8.49291992 15.68334961 9.03662109 C17.31068469 10.13614084 18.93640094 11.23806004 20.56054688 12.34228516 C22.93712897 13.95727639 25.3196896 15.56311556 27.703125 17.16796875 C29.15668288 18.15300737 30.60982642 19.13865774 32.0625 20.125 C32.74675049 20.58575928 33.43100098 21.04651855 34.13598633 21.52124023 C38.88474597 24.76949195 38.88474597 24.76949195 40 27 C39.39894104 28.72109985 39.39894104 28.72109985 38.36938477 30.80712891 C37.98891495 31.58778717 37.60844513 32.36844543 37.21644592 33.17276001 C36.58530128 34.43689224 36.58530128 34.43689224 35.94140625 35.7265625 C35.51826645 36.58937836 35.09512665 37.45219421 34.65916443 38.34115601 C33.30102682 41.10616011 31.93191355 43.86556581 30.5625 46.625 C29.64185212 48.4944343 28.72192066 50.36422161 27.80273438 52.234375 C25.54346043 56.82705966 23.27432601 61.4147518 21 66 C16.99393912 64.49658602 14.49285629 62.89372829 11.375 59.9375 C7.79777194 56.62111148 4.16632168 53.44491742 0.375 50.375 C-0.98238281 49.26318359 -0.98238281 49.26318359 -2.3671875 48.12890625 C-4.06171717 46.75870051 -5.77422505 45.41028653 -7.5078125 44.08984375 C-8.24773438 43.50332031 -8.98765625 42.91679688 -9.75 42.3125 C-10.40484375 41.81363281 -11.0596875 41.31476563 -11.734375 40.80078125 C-13 39 -13 39 -12.94140625 36.42578125 C-11.66403507 31.77742222 -9.95855823 27.35499408 -8.1875 22.875 C-5.24524335 15.30722691 -2.43814029 7.74751159 0 0 Z " fill="#FCFCFC" transform="translate(2975,1814)"/>
<path d="M0 0 C0.13609886 15.36404914 -0.24019895 30.65444374 -1 46 C-15.96127893 48.3570283 -30.95427448 50.26695532 -46 52 C-45.29028214 37.60985861 -43.59274084 23.31369076 -42 9 C-33.16620161 6.55871803 -24.30527154 4.31271066 -15.375 2.25 C-14.42737793 2.02739502 -13.47975586 1.80479004 -12.50341797 1.57543945 C-11.60252441 1.37007568 -10.70163086 1.16471191 -9.7734375 0.953125 C-8.97341309 0.76911133 -8.17338867 0.58509766 -7.34912109 0.39550781 C-4.85853573 -0.02381751 -2.52093689 -0.06820898 0 0 Z " fill="#FBFBFB" transform="translate(2800,2691)"/>
<path d="M0 0 C0.28964106 7.50307705 0.57382998 15.0063474 0.85449219 22.50976562 C0.95028595 25.05440787 1.04726014 27.599006 1.14550781 30.14355469 C1.42378823 37.36180801 1.67587963 44.58007192 1.89352417 51.80041504 C1.99016094 54.70433751 2.11999999 57.60465754 2.25805664 60.50683594 C2.77792286 74.07966867 2.77792286 74.07966867 -1.9128418 79.765625 C-2.457229 80.33796875 -3.00161621 80.9103125 -3.5625 81.5 C-4.66529426 82.80104027 -5.76685972 84.1031231 -6.8671875 85.40625 C-7.4044043 86.01339844 -7.94162109 86.62054687 -8.49511719 87.24609375 C-10.59724148 89.69607119 -12.38963188 92.32200397 -14.1875 95 C-15.10031895 96.35035017 -16.0280893 97.69153769 -17 99 C-17.33 99 -17.66 99 -18 99 C-18.09578339 98.30001892 -18.19156677 97.60003784 -18.29025269 96.87884521 C-19.20029065 90.23064512 -20.11202402 83.58267989 -21.02558708 76.93496323 C-21.49502014 73.51861524 -21.96383356 70.10218477 -22.43115234 66.68554688 C-22.97040232 62.74322333 -23.51248848 58.80129405 -24.0546875 54.859375 C-24.21935516 53.65263123 -24.38402283 52.44588745 -24.55368042 51.20257568 C-25.457125 44.65153638 -26.45558092 38.13421684 -27.63088989 31.6260376 C-27.99810465 29.01348446 -28.1947135 26.63225751 -28 24 C-26.1640625 21.859375 -26.1640625 21.859375 -23.625 19.75 C-22.71363281 18.97527344 -21.80226563 18.20054688 -20.86328125 17.40234375 C-19.91839844 16.60957031 -18.97351562 15.81679687 -18 15 C-16.26479396 13.44420965 -14.53540339 11.88190355 -12.8125 10.3125 C-1.34210526 0 -1.34210526 0 0 0 Z " fill="#FBFBFB" transform="translate(1326,1783)"/>
<path d="M0 0 C0.66 0 1.32 0 2 0 C3.37491299 1.50787161 4.67364462 3.08539761 5.9375 4.6875 C6.74058594 5.69167969 7.54367187 6.69585938 8.37109375 7.73046875 C8.79890137 8.26591309 9.22670898 8.80135742 9.66748047 9.35302734 C11.89732841 12.10908345 14.20014703 14.80234333 16.5 17.5 C19.85510252 21.44595275 23.17223477 25.41644101 26.4375 29.4375 C30.38720075 34.2916045 34.44871865 39.04028627 38.53417969 43.77978516 C42.55423044 48.45345009 46.47445398 53.19819996 50.35546875 57.98828125 C51.84295825 59.87626649 51.84295825 59.87626649 53 61 C54.05640273 70.63804468 54.13429776 80.31563909 54 90 C49.75510031 86.44814516 45.761884 82.80550602 41.88842773 78.85522461 C40.17811705 77.17498533 38.42368789 75.63217576 36.58984375 74.08984375 C29.79805342 68.1860122 23.59410555 61.6486427 17.27246094 55.25195312 C8.68287523 46.5407318 8.68287523 46.5407318 -0.4140625 38.3671875 C-0.93742187 37.91601562 -1.46078125 37.46484375 -2 37 C-2.56541504 36.51611816 -3.13083008 36.03223633 -3.71337891 35.53369141 C-5 34 -5 34 -4.9609375 30.5859375 C-4.78368423 29.179897 -4.58709015 27.7762089 -4.375 26.375 C-4.27525879 25.63386963 -4.17551758 24.89273926 -4.07275391 24.12915039 C-2.94887727 16.04863042 -1.5050655 8.01698223 0 0 Z " fill="#FBFBFB" transform="translate(1293,2314)"/>
<path d="M0 0 C10.54423794 2.63605948 21.03479678 5.3339991 31.5 8.25 C32.82416737 8.61737273 34.14838602 8.98456071 35.47265625 9.3515625 C38.64894197 10.23257606 41.82471158 11.11540018 45 12 C43.66772239 27.0469001 41.95180533 42.02116534 40 57 C34.99669233 55.9862983 30.30015402 54.91991558 25.625 52.8125 C17.20576645 49.23829708 8.58255316 46.16199327 0 43 C0 28.81 0 14.62 0 0 Z " fill="#FCFCFC" transform="translate(2838,1537)"/>
<path d="M0 0 C-2.72300528 10.4143009 -5.87682482 20.70066058 -9 31 C-9.29487305 31.97243652 -9.58974609 32.94487305 -9.89355469 33.94677734 C-10.19422852 34.93758301 -10.49490234 35.92838867 -10.8046875 36.94921875 C-11.10536133 37.94026611 -11.40603516 38.93131348 -11.71582031 39.95239258 C-12.31849335 41.93114747 -12.92457537 43.90886751 -13.53417969 45.88549805 C-14.78692287 49.95274221 -16.02792717 54.01007829 -17.0859375 58.1328125 C-17.38757812 59.26460937 -17.68921875 60.39640625 -18 61.5625 C-18.226875 62.49191406 -18.45375 63.42132812 -18.6875 64.37890625 C-22.18000953 71.35353094 -30.53489923 75.5807891 -36.8125 79.8125 C-37.67037109 80.39708984 -38.52824219 80.98167969 -39.41210938 81.58398438 C-45.68090659 85.8404533 -45.68090659 85.8404533 -48 87 C-46.41022404 76.20523901 -44.52039457 65.47687081 -42.44384766 54.76611328 C-42.30792206 54.06494385 -42.17199646 53.36377441 -42.0319519 52.64135742 C-41.75535482 51.21593915 -41.47811233 49.79064597 -41.20022583 48.36547852 C-40.39848189 44.21315135 -39.67054605 40.05714144 -39.0123291 35.87971497 C-38.50337464 32.70514338 -37.9318254 29.54147207 -37.375 26.375 C-37.21290039 25.21476318 -37.05080078 24.05452637 -36.88378906 22.85913086 C-36.0028826 18.13500567 -35.37913373 15.05825342 -31.46801758 12.05712891 C-28.36561842 10.4732738 -25.26616039 9.20666759 -22 8 C-20.25546133 7.22957401 -18.5142632 6.45151549 -16.77734375 5.6640625 C-15.16581607 4.9802277 -13.55255629 4.30045886 -11.9375 3.625 C-11.11056641 3.27050781 -10.28363281 2.91601562 -9.43164062 2.55078125 C-8.63822266 2.21691406 -7.84480469 1.88304687 -7.02734375 1.5390625 C-6.32343506 1.24209473 -5.61952637 0.94512695 -4.89428711 0.63916016 C-3 0 -3 0 0 0 Z " fill="#FBFBFB" transform="translate(1466,1555)"/>
<path d="M0 0 C1.42198109 2.84396218 0.57523271 4.35002165 -0.22265625 7.40625 C-0.51052002 8.52813721 -0.79838379 9.65002441 -1.0949707 10.8059082 C-1.41425537 12.0249585 -1.73354004 13.24400879 -2.0625 14.5 C-2.72599939 17.08674321 -3.38789911 19.67382643 -4.046875 22.26171875 C-4.21463943 22.9185112 -4.38240387 23.57530365 -4.55525208 24.2519989 C-6.08001616 30.24938576 -7.45745317 36.27500815 -8.8125 42.3125 C-12.80451529 59.97311931 -17.44844438 77.47718617 -22 95 C-22.66 95 -23.32 95 -24 95 C-26.96964188 81.24129193 -29.93770411 67.4822446 -32.90333557 53.72267151 C-34.13483134 48.00973208 -35.36766092 42.29708839 -36.60418701 36.5852356 C-37.04330017 34.55599705 -37.48157675 32.52658026 -37.91943359 30.49707031 C-38.41947088 28.1796693 -38.92102048 25.86259392 -39.42431641 23.54589844 C-39.63878418 22.54977539 -39.85325195 21.55365234 -40.07421875 20.52734375 C-40.25557373 19.68937256 -40.43692871 18.85140137 -40.6237793 17.98803711 C-41 16 -41 16 -41 14 C-27.47 9.38 -13.94 4.76 0 0 Z " fill="#FBFBFB" transform="translate(3091,3039)"/>
<path d="M0 0 C3.10982413 0.23574473 6.21922891 0.47489488 9.328125 0.72265625 C11.67023432 0.89956025 14.014094 1.05542142 16.359375 1.18359375 C17.91398437 1.27833984 17.91398437 1.27833984 19.5 1.375 C20.4384375 1.42398438 21.376875 1.47296875 22.34375 1.5234375 C28.69160472 2.66231732 32.52090984 7.30363118 36.8125 11.75 C40.394508 15.43982764 43.98384675 19.03784817 47.88671875 22.390625 C53.3168452 27.07142941 58.26614453 32.2194917 63.2890625 37.328125 C67.47474422 41.55695807 71.73733827 45.59898211 76.25 49.47705078 C78.42921863 51.37353039 80.4758387 53.37719296 82.5 55.4375 C83.1703125 56.11683594 83.840625 56.79617187 84.53125 57.49609375 C85.0159375 57.99238281 85.500625 58.48867187 86 59 C85.505 59.99 85.505 59.99 85 61 C83.02563477 61.50244141 83.02563477 61.50244141 80.44140625 61.8515625 C79.49716797 61.98046875 78.55292969 62.109375 77.58007812 62.2421875 C76.58427734 62.36851562 75.58847656 62.49484375 74.5625 62.625 C73.12100586 62.82609375 73.12100586 62.82609375 71.65039062 63.03125 C68.76983679 63.41195705 65.8923957 63.72421516 63 64 C61.63476196 64.14320679 61.63476196 64.14320679 60.24194336 64.28930664 C55.56322547 64.57520647 53.70117099 64.56183 49.93359375 61.54296875 C49.07059574 60.44819508 48.23934015 59.32782772 47.4375 58.1875 C46.98044678 57.59509521 46.52339355 57.00269043 46.05249023 56.39233398 C45.12023603 55.18255949 44.19988051 53.96351727 43.29199219 52.73535156 C41.46213027 50.27755517 39.51482759 47.9236182 37.5625 45.5625 C36.83933594 44.67433594 36.11617187 43.78617188 35.37109375 42.87109375 C31.66000185 38.37743223 27.85117814 33.96889344 24.05078125 29.55078125 C1.89544592 3.79089184 1.89544592 3.79089184 0 0 Z " fill="#FBFBFB" transform="translate(1722,2800)"/>
<path d="M0 0 C4.94637321 4.58068803 8.83783668 9.86963094 12.875 15.25 C14.24695798 17.06803884 15.61935028 18.88575001 16.9921875 20.703125 C17.98750488 22.02280273 17.98750488 22.02280273 19.00292969 23.36914062 C21.96676908 27.27358235 24.97800758 31.14047381 28 35 C26.70280076 37.85779017 25.3363174 39.91008536 23.11083984 42.11621094 C22.5303891 42.69651062 21.94993835 43.2768103 21.35189819 43.87469482 C20.72788116 44.48838928 20.10386414 45.10208374 19.4609375 45.734375 C18.82008209 46.37240051 18.17922668 47.01042603 17.51895142 47.66778564 C15.47562179 49.69994069 13.42544018 51.72502218 11.375 53.75 C9.9865214 55.1284453 8.5984951 56.50734636 7.2109375 57.88671875 C3.81251303 61.26311894 0.40792746 64.63319288 -3 68 C-6.42945343 64.87564272 -8.75951189 61.41821495 -11.07421875 57.44140625 C-11.44352005 56.81523911 -11.81282135 56.18907196 -12.1933136 55.54393005 C-12.96860719 54.22533657 -13.74078822 52.90490857 -14.51000977 51.58276367 C-15.68499467 49.56679849 -16.87399449 47.55959172 -18.06445312 45.55273438 C-18.81856814 44.26612857 -19.57185181 42.97903506 -20.32421875 41.69140625 C-20.67836349 41.0954213 -21.03250824 40.49943634 -21.39738464 39.88539124 C-23.27266144 36.6356095 -24.74892574 33.77795317 -25 30 C-23.49199527 27.77170846 -22.0691507 26.00552051 -20.25 24.0625 C-19.23190371 22.92277567 -18.21636052 21.78076656 -17.203125 20.63671875 C-16.67525391 20.04552246 -16.14738281 19.45432617 -15.60351562 18.84521484 C-12.45082981 15.21732212 -9.55143472 11.38775355 -6.61816406 7.58227539 C-4.53987863 4.90203332 -2.49056778 2.31032932 0 0 Z " fill="#FCFCFC" transform="translate(3017,2121)"/>
<path d="M0 0 C14.52 0 29.04 0 44 0 C42.46904563 3.82738594 41.13017702 6.56230233 38.91015625 9.921875 C38.29624023 10.85628418 37.68232422 11.79069336 37.04980469 12.75341797 C36.39399414 13.74229004 35.73818359 14.73116211 35.0625 15.75 C33.69375343 17.83056012 32.32526563 19.91129051 30.95703125 21.9921875 C30.28236816 23.01538086 29.60770508 24.03857422 28.91259766 25.09277344 C26.33761578 29.00685107 23.79029807 32.93835744 21.25 36.875 C20.36721114 38.24090069 19.48439886 39.60678625 18.6015625 40.97265625 C18.17262695 41.63668457 17.74369141 42.30071289 17.30175781 42.98486328 C14.17826609 47.82006596 11.05209834 52.65352764 7.921875 57.484375 C5.75867549 60.82368298 3.60477795 64.16886665 1.453125 67.515625 C0.26049665 69.36463492 -0.9322104 71.21359409 -2.125 73.0625 C-2.97843994 74.39438354 -2.97843994 74.39438354 -3.84912109 75.75317383 C-4.37586426 76.56810303 -4.90260742 77.38303223 -5.4453125 78.22265625 C-6.14938232 79.31719116 -6.14938232 79.31719116 -6.86767578 80.43383789 C-7.24134277 80.95067139 -7.61500977 81.46750488 -8 82 C-8.33 82 -8.66 82 -9 82 C-8.32325626 70.33777524 -7.00488994 58.78309808 -5.625 47.1875 C-5.39989419 45.27631551 -5.17504237 43.36510108 -4.95043945 41.45385742 C-4.30477161 35.9687028 -3.65326714 30.4842541 -3 25 C-2.8650412 23.86552429 -2.8650412 23.86552429 -2.72735596 22.70812988 C-1.82673131 15.1376932 -0.91594654 7.56861085 0 0 Z " fill="#FCFCFC" transform="translate(2683,3316)"/>
<path d="M0 0 C4.84885935 0.64520633 8.80380726 2.64362628 13.1484375 4.76171875 C13.94625641 5.1446106 14.74407532 5.52750244 15.56607056 5.92199707 C17.2808225 6.74522375 18.99444163 7.5708134 20.70703125 8.39852905 C25.20216176 10.57025338 29.70618293 12.72332486 34.2109375 14.875 C35.11728943 15.30814011 36.02364136 15.74128021 36.9574585 16.18754578 C45.5875456 20.3008449 54.27797542 24.27354284 63 28.1875 C64.00652618 28.63940201 64.00652618 28.63940201 65.03338623 29.10043335 C68.68641942 30.73926122 72.34189935 32.37251684 76 34 C76 34.33 76 34.66 76 35 C43.33046031 36.01084158 10.6833668 36.11931001 -22 36 C-20.4733139 32.05515725 -18.66495735 28.60826189 -16.4453125 25 C-16.10249237 24.44183594 -15.75967224 23.88367187 -15.40646362 23.30859375 C-14.68384605 22.13424526 -13.95929337 20.96108553 -13.23291016 19.7890625 C-12.13027286 18.00851466 -11.03543441 16.22334732 -9.94140625 14.4375 C-9.23483746 13.29138144 -8.5278208 12.14553884 -7.8203125 11 C-7.18367676 9.96875 -6.54704102 8.9375 -5.89111328 7.875 C-4.06962169 5.10584366 -2.11390441 2.55051621 0 0 Z " fill="#FAFAFA" transform="translate(2799,3251)"/>
<path d="M0 0 C1.45823469 0.1523645 2.91649217 0.30451111 4.37477112 0.45645142 C7.40998643 0.77403008 10.44474145 1.09564431 13.47924805 1.41992188 C17.36760638 1.83490524 21.25714498 2.23742518 25.14713955 2.63673973 C28.14943452 2.94668195 31.15088613 3.26424988 34.15214729 3.58403397 C35.58679921 3.73575421 37.02173217 3.88484111 38.45693779 4.03123093 C40.45576265 4.23603723 42.45338653 4.45246444 44.45092773 4.66943359 C45.58658676 4.78934662 46.72224579 4.90925964 47.89231873 5.0328064 C50.69140625 5.5390625 50.69140625 5.5390625 53.69140625 7.5390625 C50.86791931 10.76141204 47.99275539 13.92494127 45.06103516 17.04833984 C44.07428772 18.11503284 43.10242659 19.19571584 42.14697266 20.29052734 C34.35481277 29.18772763 34.35481277 29.18772763 28.62280273 29.94384766 C25.6093378 29.5547073 22.76972958 28.9413164 19.84619141 28.11895752 C17.43721273 27.47065403 15.02031408 26.95792826 12.57617188 26.45849609 C6.70416794 25.25742199 0.85468846 23.96402623 -4.99609375 22.6640625 C-7.97699397 22.00650026 -10.95821395 21.35040389 -13.93948364 20.69451904 C-15.88791721 20.26578972 -17.83622248 19.83647682 -19.78439331 19.40655518 C-28.94609785 17.38820316 -38.12428892 15.45159133 -47.30859375 13.5390625 C-43.03168396 10.08351537 -38.66894146 6.87495738 -34.12109375 3.7890625 C-33.41662109 3.28246094 -32.71214844 2.77585937 -31.98632812 2.25390625 C-31.27412109 1.77566406 -30.56191406 1.29742188 -29.828125 0.8046875 C-29.20010986 0.36930664 -28.57209473 -0.06607422 -27.92504883 -0.51464844 C-19.44907991 -3.58013836 -8.72796825 -0.92915967 0 0 Z " fill="#FCFCFC" transform="translate(2286.30859375,2857.4609375)"/>
<path d="M0 0 C7.93383711 0.32264822 15.42564343 2.51220092 23.0625 4.5625 C24.30966797 4.89185547 25.55683594 5.22121094 26.84179688 5.56054688 C29.8960919 6.36800418 32.9487077 7.18128281 36 8 C32.26674568 11.98213794 28.35047809 14.98814708 23.8125 18 C17.79490481 22.06201644 11.86857111 26.22554205 6 30.5 C-21.17555526 50.25734723 -21.17555526 50.25734723 -27.04296875 50.23046875 C-28.03490234 50.22853516 -29.02683594 50.22660156 -30.04882812 50.22460938 C-31.08458984 50.21236328 -32.12035156 50.20011719 -33.1875 50.1875 C-34.20392578 50.18685547 -35.22035156 50.18621094 -36.26757812 50.18554688 C-41.93277826 50.15263093 -47.39690192 49.83878714 -53 49 C-50.17025628 45.10910239 -46.97015552 42.12253517 -43.33984375 39.01953125 C-40.68247314 36.72594093 -38.09103432 34.36822693 -35.5 32 C-32.38092989 29.15475772 -29.25244609 26.3280042 -26.0625 23.5625 C-22.12077235 20.13878174 -18.28393868 16.60367488 -14.4440918 13.06689453 C-10.85332978 9.76547906 -7.21632657 6.52632399 -3.5234375 3.33984375 C-2.30827165 2.27112096 -1.1442894 1.1442894 0 0 Z " fill="#FBFBFB" transform="translate(1885,1280)"/>
<path d="M0 0 C7.95908924 0.80104382 15.74135324 2.49287222 23.5625 4.125 C24.29922943 4.27862 25.03595886 4.43223999 25.79501343 4.59051514 C29.64632753 5.39510014 33.49643891 6.20519864 37.34570312 7.01953125 C40.40768647 7.66668609 43.47135168 8.30456709 46.53710938 8.93359375 C50.12323229 9.66982792 53.70493204 10.42470214 57.28414917 11.19378662 C58.62615709 11.47908824 59.96953149 11.75804304 61.3142395 12.03033447 C73.98775668 14.60661907 73.98775668 14.60661907 78 20 C79.00728697 21.14295821 80.02217357 22.27924613 81.04296875 23.41015625 C82.09331882 24.62572993 83.14146884 25.84320781 84.1875 27.0625 C84.72052734 27.67416016 85.25355469 28.28582031 85.80273438 28.91601562 C86.57133789 29.81030273 86.57133789 29.81030273 87.35546875 30.72265625 C87.81590576 31.25640869 88.27634277 31.79016113 88.75073242 32.34008789 C90.10325027 34.13718948 91.01849988 35.98119856 92 38 C82.68837165 37.37919534 73.40551706 36.60223101 64.12109375 35.66015625 C62.86539078 35.53313828 61.60968781 35.4061203 60.31593323 35.2752533 C57.68990652 35.00839259 55.06400692 34.74027823 52.43823242 34.47094727 C49.08348483 34.12716802 45.72790467 33.79232778 42.37206936 33.45935917 C39.14192483 33.13684354 35.91283901 32.80403641 32.68359375 32.47265625 C31.48463974 32.3548732 30.28568573 32.23709015 29.05039978 32.11573792 C27.37694237 31.94061928 27.37694237 31.94061928 25.66967773 31.76196289 C24.69264389 31.66283096 23.71561005 31.56369904 22.70896912 31.46156311 C19.87584732 30.97884646 17.57889561 30.26561441 15 29 C13.27075195 26.54150391 13.27075195 26.54150391 11.73828125 23.4765625 C11.17689453 22.373125 10.61550781 21.2696875 10.03710938 20.1328125 C9.46798828 18.97523438 8.89886719 17.81765625 8.3125 16.625 C7.44141602 14.90023437 7.44141602 14.90023437 6.55273438 13.140625 C5.02041502 10.10078683 3.50657831 7.05265185 2 4 C1.33421586 2.66622577 0.66793749 1.33269716 0 0 Z " fill="#FBFBFB" transform="translate(1599,2751)"/>
<path d="M0 0 C3.12372449 3.68332381 4.87264519 7.81701704 6.80859375 12.19140625 C7.35311943 13.40571068 7.35311943 13.40571068 7.90864563 14.64454651 C9.08977514 17.28172835 10.26373434 19.92203345 11.4375 22.5625 C12.25057178 24.38217962 13.06405065 26.20167739 13.87792969 28.02099609 C15.89014817 32.52227633 17.89649506 37.02614422 19.90081787 41.53094482 C21.19884422 44.44665695 22.50022892 47.36085872 23.80220032 50.27481079 C26.88533973 57.17564118 29.95246794 64.08337203 33 71 C33.35578125 71.80679199 33.7115625 72.61358398 34.078125 73.44482422 C34.97381368 75.48189395 35.86382841 77.5212757 36.75 79.5625 C37.19859375 80.59503906 37.6471875 81.62757813 38.109375 82.69140625 C39 85 39 85 39 87 C34.91190847 85.31078858 31.8437182 82.44517134 28.5625 79.5625 C27.30761097 78.47359025 26.05239524 77.3850569 24.796875 76.296875 C23.84651367 75.47026367 23.84651367 75.47026367 22.87695312 74.62695312 C20.03988635 72.16776829 17.17915925 69.73707204 14.3125 67.3125 C13.77496094 66.85746094 13.23742188 66.40242188 12.68359375 65.93359375 C9.33749762 63.10854422 5.960749 60.32481936 2.5625 57.5625 C-2.38140513 53.53923409 -7.22708932 49.40989643 -12.05444336 45.24829102 C-15.67349684 42.1287792 -19.32168645 39.04949444 -23 36 C-18.63121872 27.5172297 -13.54280144 19.64822925 -8.125 11.8125 C-7.33285421 10.65853188 -6.54118483 9.50423657 -5.75 8.34960938 C-3.83796669 5.56317059 -1.9212525 2.7800863 0 0 Z " fill="#FBFBFB" transform="translate(3462,2216)"/>
<path d="M0 0 C0.66 0.33 1.32 0.66 2 1 C2.51831055 2.87011719 2.51831055 2.87011719 2.88671875 5.296875 C3.02013672 6.1734375 3.15355469 7.05 3.29101562 7.953125 C3.42185547 8.87609375 3.55269531 9.7990625 3.6875 10.75 C3.82994141 11.6575 3.97238281 12.565 4.11914062 13.5 C5.1975729 20.83977787 4.72129737 25.16660208 0.9296875 31.69921875 C-0.03324219 33.37056885 -0.03324219 33.37056885 -1.015625 35.07568359 C-1.71863246 36.27969103 -2.42176044 37.48362811 -3.125 38.6875 C-3.84701457 39.93532775 -4.56835946 41.1835432 -5.2890625 42.43212891 C-6.77914065 45.01113886 -8.27312899 47.58781978 -9.77050781 50.16259766 C-11.89454528 53.81577158 -14.00783492 57.47505018 -16.1171875 61.13671875 C-18.63944887 65.51445834 -21.1639398 69.89088846 -23.69140625 74.265625 C-27.48260974 80.83143258 -31.2500145 87.41056861 -35 94 C-37.18514297 91.81485703 -37.79147625 90.32170911 -38.875 87.45703125 C-39.22046875 86.54759766 -39.5659375 85.63816406 -39.921875 84.70117188 C-40.27765625 83.74791016 -40.6334375 82.79464844 -41 81.8125 C-41.53367187 80.41161133 -41.53367187 80.41161133 -42.078125 78.98242188 C-42.76752573 77.15473822 -43.43982251 75.32049677 -44.09350586 73.47973633 C-44.85003008 71.4102463 -45.72577587 69.38484412 -46.62890625 67.375 C-47.13112603 62.80744331 -45.59121627 61.09384885 -42.859375 57.54492188 C-42.22515625 56.76697266 -41.5909375 55.98902344 -40.9375 55.1875 C-39.62253906 53.49438898 -38.30876336 51.80035686 -36.99609375 50.10546875 C-36.32433105 49.25259277 -35.65256836 48.3997168 -34.96044922 47.52099609 C-32.03296319 43.7564605 -29.26746667 39.88279789 -26.5 36 C-21.89390065 29.59555131 -17.2431364 23.22516276 -12.5625 16.875 C-11.9953125 16.10542969 -11.428125 15.33585937 -10.84375 14.54296875 C-7.25224598 9.67788174 -3.63536832 4.83238984 0 0 Z " fill="#FBFBFB" transform="translate(1298,1918)"/>
<path d="M0 0 C-0.52207031 0.55945312 -1.04414063 1.11890625 -1.58203125 1.6953125 C-6.50916471 7.06252268 -11.09850275 12.57829255 -15.55981445 18.33251953 C-19.28743093 23.12800621 -23.12361598 27.82420399 -27 32.5 C-31.37604563 37.78523767 -35.69923197 43.10362209 -39.9375 48.5 C-40.39213623 49.0679126 -40.84677246 49.6358252 -41.31518555 50.22094727 C-43.29319797 52.70986377 -45.1046558 55.17434811 -46.7421875 57.90234375 C-48.33811303 60.47885039 -49.52962146 62.23950035 -52 64 C-56.81550336 64.63195582 -61.24172344 63.81273443 -66 63 C-68.22870626 62.71344499 -70.45961185 62.45373245 -72.69165039 62.19458008 C-75.79893932 61.8287101 -78.89890214 61.41482218 -82 61 C-73.86639695 51.16302001 -64.65839324 42.2525063 -55.68545914 33.18883038 C-52.65891918 30.13167628 -49.64085738 27.06710097 -46.64160156 23.9831543 C-43.72171051 20.98108252 -40.78243164 17.99932518 -37.82860565 15.03064919 C-36.71339622 13.90325042 -35.605054 12.7690123 -34.50409698 11.62769127 C-28.3087457 5.2165578 -23.38510158 0.38003469 -14 0 C-13.00226562 -0.14824219 -12.00453125 -0.29648438 -10.9765625 -0.44921875 C-9.81253906 -0.56716797 -9.81253906 -0.56716797 -8.625 -0.6875 C-7.43777344 -0.81705078 -7.43777344 -0.81705078 -6.2265625 -0.94921875 C-3.95314963 -1.00106852 -2.16702547 -0.65802372 0 0 Z " fill="#FCFCFC" transform="translate(2449,2799)"/>
<path d="M0 0 C9.0555687 4.82041857 17.87694148 10.00103367 26.6875 15.25 C27.39521545 15.67074799 28.10293091 16.09149597 28.83209229 16.5249939 C46.40576165 26.97445138 46.40576165 26.97445138 54.20898438 31.99169922 C56.75659776 33.62872279 59.28126552 35.14155193 61.98828125 36.50390625 C69.55163348 40.34578271 71.40323028 45.12524304 74 53 C74.58757268 54.36144889 75.18856812 55.71732576 75.8125 57.0625 C77 60 77 60 77 63 C70.98272118 61.1282427 65.32037227 58.90256908 59.65234375 56.15625 C58.88561844 55.79031738 58.11889313 55.42438477 57.32893372 55.04736328 C54.86287997 53.8695317 52.40020668 52.68481145 49.9375 51.5 C46.53641839 49.87235234 43.13359209 48.24837371 39.73046875 46.625 C38.89440094 46.22567261 38.05833313 45.82634521 37.19692993 45.41491699 C29.10744596 41.55841923 20.96361371 37.82878461 12.78100586 34.17382812 C11.45854858 33.57731445 11.45854858 33.57731445 10.109375 32.96875 C9.35624023 32.63294922 8.60310547 32.29714844 7.82714844 31.95117188 C6 31 6 31 4 29 C3.40576172 26.75683594 3.40576172 26.75683594 2.9296875 23.984375 C2.75566406 22.98019531 2.58164063 21.97601562 2.40234375 20.94140625 C2.22832031 19.88824219 2.05429688 18.83507813 1.875 17.75 C1.69324219 16.71230469 1.51148438 15.67460937 1.32421875 14.60546875 C0.48413981 9.65974083 -0.09533853 5.02980176 0 0 Z " fill="#FAFAFA" transform="translate(1410,2558)"/>
<path d="M0 0 C-0.66493348 1.6673589 -1.33215469 3.33380527 -2 5 C-2.42700195 6.18343994 -2.85400391 7.36687988 -3.29394531 8.58618164 C-7.93693256 19.69124986 -14.68451225 23.83811609 -25.54968262 28.4347229 C-28.93692012 29.80424801 -32.34136693 31.12225701 -35.75 32.4375 C-37.99025721 33.34343626 -40.22856119 34.25421821 -42.46484375 35.16992188 C-46.84610492 36.95721366 -51.2371372 38.71590952 -55.63867188 40.45263672 C-62.72280535 43.26311619 -69.7173061 46.26982573 -76.69329834 49.3377533 C-77.49866028 49.68914871 -78.30402222 50.04054413 -79.13378906 50.40258789 C-79.836026 50.71241104 -80.53826294 51.02223419 -81.26177979 51.34144592 C-83 52 -83 52 -85 52 C-84.06409624 47.98246191 -83.03594734 43.9928011 -82 40 C-81.75854248 38.97326172 -81.75854248 38.97326172 -81.51220703 37.92578125 C-81.00200275 35.77321908 -80.44261565 33.63805981 -79.875 31.5 C-79.72393799 30.81808594 -79.57287598 30.13617187 -79.41723633 29.43359375 C-78.6147701 26.56708322 -77.76099868 24.46325681 -75.16723633 22.88430786 C-69.8344164 20.65601385 -64.50165819 18.79705001 -58.9453125 17.2109375 C-57.18109112 16.69444938 -55.41710385 16.17716107 -53.65332031 15.65917969 C-52.2727948 15.25596497 -52.2727948 15.25596497 -50.86437988 14.84460449 C-45.91604036 13.38551388 -40.98631 11.86600244 -36.0546875 10.3515625 C-34.03260771 9.73289107 -32.01047214 9.11440195 -29.98828125 8.49609375 C-26.89362725 7.54935923 -23.79925421 6.60174297 -20.70556641 5.65185547 C-17.65603972 4.71589951 -14.60546978 3.78341629 -11.5546875 2.8515625 C-10.62155731 2.56415192 -9.68842712 2.27674133 -8.72702026 1.98062134 C-7.87077057 1.71969696 -7.01452087 1.45877258 -6.13232422 1.18994141 C-5.00369461 0.84402451 -5.00369461 0.84402451 -3.8522644 0.49111938 C-2 0 -2 0 0 0 Z " fill="#FAFAFA" transform="translate(1566,1480)"/>
<path d="M0 0 C1.92803467 0.31638428 1.92803467 0.31638428 3.89501953 0.63916016 C8.85551977 1.45283991 13.81626274 2.26503211 18.77706909 3.07684326 C21.00379359 3.44142487 23.23045816 3.80637269 25.45706177 4.17169189 C37.17905109 6.09454794 48.90215607 8.00215661 60.64453125 9.796875 C61.97433014 10.00133743 61.97433014 10.00133743 63.33099365 10.20993042 C67.48442494 10.84841513 71.63873079 11.47920502 75.79541016 12.09619141 C77.26861132 12.32157027 78.74175927 12.54729725 80.21484375 12.7734375 C82.11931274 13.05840088 82.11931274 13.05840088 84.06225586 13.34912109 C87 14 87 14 89 16 C79.77832019 18.87176056 70.55570578 21.74049367 61.33187294 24.60533142 C57.04923153 25.93558557 52.76692345 27.26689305 48.48535156 28.60058594 C44.35589003 29.88685497 40.22558666 31.17038558 36.09467697 32.45199585 C34.51626459 32.94222927 32.93816172 33.43346033 31.36037064 33.9256897 C29.15592651 34.6132342 26.95042345 35.29727125 24.74462891 35.98046875 C23.48776276 36.37129639 22.23089661 36.76212402 20.9359436 37.16479492 C18 38 18 38 16 38 C13.71663413 32.91176815 11.43809802 27.82141254 9.1640625 22.72900391 C8.38935469 20.99598514 7.61331716 19.26356018 6.8359375 17.53173828 C5.72047593 15.04613704 4.60977272 12.55845792 3.5 10.0703125 C3.15001953 9.29317902 2.80003906 8.51604553 2.43945312 7.71536255 C0 2.22774341 0 2.22774341 0 0 Z " fill="#FBFBFB" transform="translate(2940,1001)"/>
<path d="M0 0 C2.08055404 0.55224582 4.16386544 1.09422399 6.25 1.625 C7.83508407 2.0772415 9.41913906 2.53321035 11 3 C6.37396814 6.93643705 1.31434725 10.08245969 -3.8125 13.3125 C-5.25109375 14.22358521 -5.25109375 14.22358521 -6.71875 15.15307617 C-14.97497631 20.37396443 -23.25480762 25.55783172 -31.55517578 30.70825195 C-35.89583474 33.40623854 -40.21652355 36.11536489 -44.44921875 38.98046875 C-45.41601562 39.629552 -45.41601562 39.629552 -46.40234375 40.29174805 C-48.04101145 41.40085178 -49.66762566 42.52770989 -51.29296875 43.65625 C-54.59043495 45.29308748 -55.51983114 44.96307958 -59 44 C-60.86315114 43.21877715 -62.70247644 42.37924329 -64.51953125 41.49609375 C-65.54111328 41.00302734 -66.56269531 40.50996094 -67.61523438 40.00195312 C-68.67033203 39.48568359 -69.72542969 38.96941406 -70.8125 38.4375 C-71.88693359 37.91736328 -72.96136719 37.39722656 -74.06835938 36.86132812 C-76.71475699 35.5792955 -79.3584771 34.29203889 -82 33 C-79.3561161 30.92300992 -76.76924866 29.26920299 -73.74829102 27.79858398 C-72.91544083 27.39063095 -72.08259064 26.98267792 -71.22450256 26.56236267 C-70.32670578 26.12799393 -69.428909 25.69362518 -68.50390625 25.24609375 C-67.56054916 24.78574234 -66.61719208 24.32539093 -65.64524841 23.85108948 C-62.61957243 22.37594039 -59.59104201 20.90675442 -56.5625 19.4375 C-54.59031648 18.47627723 -52.61830955 17.51469204 -50.64648438 16.55273438 C-46.7223657 14.63956808 -42.79358723 12.73646142 -38.86132812 10.84008789 C-34.91855727 8.93743637 -30.99300368 7.00403972 -27.07617188 5.04858398 C-25.19798772 4.1233909 -23.31973538 3.19833621 -21.44140625 2.2734375 C-20.5864003 1.83909897 -19.73139435 1.40476044 -18.85047913 0.95726013 C-12.00433316 -2.38468398 -7.21938027 -2.6993284 0 0 Z " fill="#FAFAFA" transform="translate(2187,2876)"/>
<path d="M0 0 C4.52287686 1.37652774 8.50719742 3.1910911 12.671875 5.421875 C13.30333939 5.75850662 13.93480377 6.09513824 14.58540344 6.44197083 C16.64269515 7.54017734 18.69635467 8.64499211 20.75 9.75 C22.1839606 10.51722488 23.61812642 11.28406633 25.05249023 12.05053711 C29.37177559 14.36062456 33.68622425 16.67964501 38 19 C39.26640853 19.68055763 40.53284602 20.36106138 41.79931641 21.04150391 C47.31545773 24.00586822 52.82884993 26.97529564 58.33984375 29.94921875 C65.21353267 33.65734757 72.10307125 37.33529528 79 41 C79 41.33 79 41.66 79 42 C69.53403065 41.71850101 60.0682211 41.43210905 50.60253906 41.14111328 C47.63577177 41.04993475 44.66897735 40.95975564 41.70214844 40.87060547 C37.71798214 40.75066536 33.7339931 40.62556199 29.75 40.5 C28.55810059 40.46463135 27.36620117 40.4292627 26.13818359 40.39282227 C18.40363279 40.14386539 10.71050348 39.65716331 3 39 C1.3808685 34.14260551 1.33342352 29.08541762 0.9375 24 C0.84662109 22.91332031 0.75574219 21.82664062 0.66210938 20.70703125 C0.11242786 13.7884834 -0.11733697 6.93939551 0 0 Z " fill="#FBFBFB" transform="translate(3248,1342)"/>
<path d="M0 0 C6.78927998 -0.41496226 11.04289123 2.06994274 16.5715332 5.81396484 C17.79163086 6.6009375 17.79163086 6.6009375 19.03637695 7.40380859 C21.02050139 8.68765382 22.98875713 9.99043398 24.9465332 11.31396484 C21.66680309 13.50045159 19.20574383 14.13207751 15.3840332 15.04833984 C14.72863556 15.20694489 14.07323792 15.36554993 13.39797974 15.52896118 C11.24895643 16.04694287 9.09789137 16.55577515 6.9465332 17.06396484 C5.45673067 17.42001134 3.96698507 17.77629611 2.47729492 18.1328125 C-6.97569156 20.38658316 -16.4441379 22.57086983 -25.9284668 24.68896484 C-26.99452148 24.92711914 -28.06057617 25.16527344 -29.15893555 25.41064453 C-31.1623588 25.85167767 -33.1690839 26.27804749 -35.17919922 26.6875 C-38.0756577 27.28232765 -38.0756577 27.28232765 -40.953125 28.17089844 C-47.76320733 29.9810471 -47.76320733 29.9810471 -51.34936523 28.12695312 C-53.59394713 26.28073581 -55.53036723 24.3334311 -57.4909668 22.18896484 C-58.17094727 21.49802734 -58.85092773 20.80708984 -59.55151367 20.09521484 C-60.85003387 18.7700388 -62.13407907 17.4304662 -63.40063477 16.07470703 C-64.73205478 14.65636122 -66.12091084 13.29205158 -67.52612305 11.94677734 C-69.0534668 10.31396484 -69.0534668 10.31396484 -69.0534668 8.31396484 C-62.70824572 7.49296781 -56.3625721 6.67553507 -50.01660156 5.86035156 C-47.86676119 5.58379015 -45.71701808 5.30647144 -43.56738281 5.02832031 C-16.22078518 1.49107654 -16.22078518 1.49107654 -4.95175171 0.48406982 C-3.29991845 0.33604933 -1.649754 0.1696317 0 0 Z " fill="#FBFBFB" transform="translate(1910.053466796875,2862.68603515625)"/>
<path d="M0 0 C0.76704443 9.11113452 1.53221165 18.22242431 2.2950964 27.33390808 C2.64953329 31.56643095 3.00457476 35.79890114 3.36108398 40.03125 C3.70623111 44.12899524 4.04967782 48.22688002 4.39203072 52.32485962 C4.52179122 53.87469381 4.65212612 55.42448005 4.78309441 56.97421265 C5.65603473 67.30956925 6.39415427 77.64548609 7 88 C3.98942242 84.30309936 1.40999803 80.5416342 -0.984375 76.42578125 C-1.35755356 75.79231277 -1.73073212 75.1588443 -2.11521912 74.50617981 C-2.91526581 73.14773481 -3.71367752 71.78832579 -4.5105896 70.42803955 C-6.61472994 66.83649948 -8.73010447 63.25161419 -10.84765625 59.66796875 C-11.27601273 58.94287109 -11.7043692 58.21777344 -12.14570618 57.47070312 C-14.98614601 52.67599173 -17.87435791 47.91363383 -20.80859375 43.17578125 C-21.1828952 42.57129654 -21.55719666 41.96681183 -21.94284058 41.3440094 C-23.71265441 38.49065848 -25.49018158 35.64247287 -27.27441406 32.7980957 C-27.89928711 31.79480225 -28.52416016 30.79150879 -29.16796875 29.7578125 C-29.99204224 28.44514404 -29.99204224 28.44514404 -30.83276367 27.10595703 C-32 25 -32 25 -32 23 C-29.66113792 21.10764796 -27.30994788 19.32399883 -24.875 17.5625 C-23.41029326 16.48726237 -21.94677584 15.41040299 -20.484375 14.33203125 C-19.73865234 13.78240723 -18.99292969 13.2327832 -18.22460938 12.66650391 C-14.18813772 9.64269404 -10.2579933 6.48228984 -6.34326172 3.30297852 C-2.21530301 0 -2.21530301 0 0 0 Z " fill="#FAFAFA" transform="translate(3344,2661)"/>
<path d="M0 0 C1.13792747 0.5449411 1.13792747 0.5449411 2.29884338 1.10089111 C4.76208631 2.28258103 7.21885449 3.47711636 9.67578125 4.671875 C12.23149547 5.90248144 14.78871904 7.12991188 17.34603882 8.35717773 C19.06501738 9.18240149 20.78346183 10.00873874 22.50137329 10.83618164 C27.86307718 13.41592197 33.24268084 15.95143482 38.6484375 18.4375 C39.30442429 18.73940247 39.96041107 19.04130493 40.63627625 19.35235596 C43.68296101 20.75260106 46.73226242 22.14677368 49.78393555 23.53613281 C51.37782104 24.26848145 51.37782104 24.26848145 53.00390625 25.015625 C54.38497559 25.64500977 54.38497559 25.64500977 55.79394531 26.28710938 C57.98828125 27.421875 57.98828125 27.421875 59.98828125 29.421875 C56.95064036 31.0544833 53.90749802 32.67656608 50.86328125 34.296875 C50.00734375 34.75707031 49.15140625 35.21726562 48.26953125 35.69140625 C45.85907971 36.97079976 43.4272885 38.19811575 40.98828125 39.421875 C39.993125 39.96714844 38.99796875 40.51242188 37.97265625 41.07421875 C32.92402552 41.66234458 29.50755035 38.76634239 25.36328125 36.109375 C24.41686768 35.52631592 23.4704541 34.94325684 22.49536133 34.3425293 C20.42603958 33.06675079 18.36188001 31.78257123 16.30224609 30.49121094 C11.06144032 27.21869954 5.77064772 24.02943088 0.48458862 20.83074951 C-1.31732458 19.73855377 -3.11691852 18.64263773 -4.91577148 17.54541016 C-12.3228266 13.02949488 -19.76116064 8.57462517 -27.30395508 4.28833008 C-31.90453314 1.63624623 -31.90453314 1.63624623 -33.01171875 -0.578125 C-30.1605892 -1.28110192 -27.30700411 -1.96571544 -24.44921875 -2.640625 C-23.64935547 -2.83978516 -22.84949219 -3.03894531 -22.02539062 -3.24414062 C-20.84106445 -3.51967773 -20.84106445 -3.51967773 -19.6328125 -3.80078125 C-18.91536865 -3.97359619 -18.1979248 -4.14641113 -17.45874023 -4.32446289 C-10.8963399 -5.00473167 -5.72404411 -2.81498993 0 0 Z " fill="#FBFBFB" transform="translate(2009.01171875,2879.578125)"/>
<path d="M0 0 C0.71414062 0.71542969 1.42828125 1.43085937 2.1640625 2.16796875 C3.98554339 3.99009056 5.81444996 5.80363867 7.6484375 7.61328125 C8.54820312 8.50402344 9.44796875 9.39476562 10.375 10.3125 C11.26960938 11.19550781 12.16421875 12.07851562 13.0859375 12.98828125 C15.91053069 15.84696436 18.52580329 18.86886571 21.15673828 21.9050293 C24.26485538 25.43757934 27.51121109 28.8376341 30.75 32.25 C37.23230364 39.10895582 43.65023509 46.01817579 50 53 C50.96483491 54.05990388 51.92967884 55.11979955 52.89453125 56.1796875 C55.26491189 58.78474316 57.63309598 61.39178472 60 64 C58 65 58 65 55.14379883 64.1105957 C53.92716553 63.63710693 52.71053223 63.16361816 51.45703125 62.67578125 C50.78850632 62.41808456 50.11998138 62.16038788 49.43119812 61.8948822 C47.22208407 61.04132592 45.01735767 60.17698518 42.8125 59.3125 C41.28802925 58.72098637 39.7632866 58.13017306 38.23828125 57.54003906 C35.07865977 56.31603484 31.92077427 55.08769573 28.76416016 53.85595703 C24.15323781 52.05766556 19.53644551 50.27487807 14.91796875 48.49609375 C9.53790778 46.4222506 4.15800112 44.34803684 -1.21875 42.265625 C-2.29060547 41.85086914 -3.36246094 41.43611328 -4.46679688 41.00878906 C-7 40 -7 40 -9 39 C-6.15063744 25.96297244 -3.12479305 12.97367782 0 0 Z " fill="#FAFAFA" transform="translate(3427,1762)"/>
<path d="M0 0 C2.64 1.65 5.28 3.3 8 5 C6.38181404 10.93334852 3.36843618 15.90619228 0.3125 21.1875 C-0.87205783 23.25856347 -2.05561137 25.3302016 -3.23828125 27.40234375 C-3.85654785 28.48370605 -4.47481445 29.56506836 -5.11181641 30.67919922 C-8.23979091 36.1804546 -11.30758419 41.7148166 -14.375 47.25 C-15.00043701 48.37752686 -15.62587402 49.50505371 -16.27026367 50.66674805 C-17.54470821 52.9645287 -18.81887751 55.26246203 -20.09277344 57.56054688 C-23.84361805 64.32474283 -27.60206641 71.08471648 -31.35913086 77.84545898 C-34.23870697 83.02779057 -37.11738099 88.21061406 -39.9919281 93.39573669 C-53.55097112 117.85327596 -53.55097112 117.85327596 -60 129 C-60.33 129 -60.66 129 -61 129 C-60.91857227 125.14500431 -60.80577646 121.29152725 -60.6875 117.4375 C-60.66494141 116.35146484 -60.64238281 115.26542969 -60.61914062 114.14648438 C-60.41547172 108.05493253 -59.93983429 103.4552992 -57 98 C-56.53924072 97.14237061 -56.07848145 96.28474121 -55.60375977 95.40112305 C-53.91221539 92.29109606 -52.18020363 89.20663558 -50.4375 86.125 C-49.80835693 85.00730225 -49.17921387 83.88960449 -48.53100586 82.73803711 C-44.71637173 75.98030983 -40.8477574 69.25849266 -36.88916016 62.58422852 C-33.14669682 56.27248078 -29.47611326 49.92029107 -25.8125 43.5625 C-24.8685437 41.92559204 -24.8685437 41.92559204 -23.90551758 40.25561523 C-20.88393964 35.01355726 -17.8663804 29.76926034 -14.85722351 24.52006531 C-13.48629309 22.12936038 -12.11342029 19.73977386 -10.74032593 17.35031128 C-9.77001221 15.65986458 -8.80257782 13.96776618 -7.83520508 12.27563477 C-6.94998169 10.73540649 -6.94998169 10.73540649 -6.046875 9.1640625 C-5.27102051 7.80982178 -5.27102051 7.80982178 -4.47949219 6.42822266 C-3.1032693 4.16949117 -1.62664684 2.08334522 0 0 Z " fill="#F9F9F9" transform="translate(873,2713)"/>
<path d="M0 0 C-0.27175049 0.79365967 -0.54350098 1.58731934 -0.82348633 2.4050293 C-1.97314496 5.74137554 -1.97314496 5.74137554 -2.5093689 8.1847229 C-4.14729846 14.85095213 -6.52714593 20.63060241 -12 25 C-22.7413007 29.23652643 -34.83021587 29.59628804 -46.23522949 30.47668457 C-50.53003547 30.82799087 -54.81370033 31.28338279 -59.09960938 31.72851562 C-82.61725342 34.11776927 -82.61725342 34.11776927 -90 34 C-88.56874847 32.09166462 -87.13447123 30.18742344 -85.6796875 28.296875 C-83.98930198 26.0750761 -83.98930198 26.0750761 -82.7578125 23.828125 C-79.8680545 19.05374222 -77.25872673 17.44055264 -71.86328125 16.0078125 C-69.98600342 15.50894531 -69.98600342 15.50894531 -68.07080078 15 C-61.73466273 13.42033107 -55.3645414 11.9998543 -48.98214722 10.62084961 C-45.04331585 9.76970875 -41.1074858 8.90495585 -37.171875 8.0390625 C-36.39142319 7.86751648 -35.61097137 7.69597046 -34.80686951 7.51922607 C-26.61667185 5.70997663 -18.46537762 3.74858895 -10.32495117 1.72705078 C-9.39142822 1.49743652 -8.45790527 1.26782227 -7.49609375 1.03125 C-6.69357178 0.83080078 -5.8910498 0.63035156 -5.06420898 0.42382812 C-3 0 -3 0 0 0 Z " fill="#FBFBFB" transform="translate(2575,2742)"/>
<path d="M0 0 C1.33493344 6.9102437 1.50283899 13.85604354 1.765625 20.87109375 C1.88163594 23.9550513 2.08852548 26.97511476 2.484375 30.03515625 C2.99430932 35.51695016 3.08579347 38.61486054 -0.39453125 43.0546875 C-3.38475984 45.98727078 -6.66030452 48.47877669 -10 51 C-11.42844253 52.23652593 -12.84709236 53.48457731 -14.25 54.75 C-15.49939357 55.83403266 -16.74940341 56.91735543 -18 58 C-19.50064092 59.31176715 -21.00064969 60.62425786 -22.5 61.9375 C-23.66666667 62.95833333 -24.83333333 63.97916667 -26 65 C-28.85767058 62.14232942 -28.78793534 58.9580335 -29.2890625 55.10546875 C-29.39721283 54.3210994 -29.50536316 53.53673004 -29.61679077 52.72859192 C-29.84420026 51.06723984 -30.06753127 49.40532519 -30.28710938 47.74291992 C-30.62244122 45.20685167 -30.97024136 42.67274318 -31.3203125 40.13867188 C-31.53980172 38.52353778 -31.75857496 36.9083062 -31.9765625 35.29296875 C-32.13120468 34.15990547 -32.13120468 34.15990547 -32.28897095 33.00395203 C-33.35487852 24.87816917 -33.35487852 24.87816917 -33 22 C-31.66162109 20.48950195 -31.66162109 20.48950195 -29.7734375 19.23828125 C-29.07742432 18.76358398 -28.38141113 18.28888672 -27.66430664 17.79980469 C-26.90883545 17.30899414 -26.15336426 16.81818359 -25.375 16.3125 C-23.81850424 15.26246869 -22.26252292 14.21167443 -20.70703125 13.16015625 C-19.92021973 12.63566895 -19.1334082 12.11118164 -18.32275391 11.57080078 C-14.23428914 8.8059088 -10.26629471 5.87290482 -6.29248047 2.9465332 C-2.21960038 0 -2.21960038 0 0 0 Z " fill="#FBFBFB" transform="translate(1323,1725)"/>
<path d="M0 0 C3.48654476 1.4841373 5.64191072 3.46214052 8.25 6.1875 C11.09914013 9.10658629 13.96370846 11.90988554 17.0625 14.5625 C20.55373185 17.55597206 23.77097703 20.75173596 26.99609375 24.02734375 C29.58246151 26.57337829 32.3153528 28.92021557 35.06640625 31.28515625 C37.56431556 33.5004738 39.88024989 35.8689817 42.21875 38.25 C44.08389674 40.08242487 46.01927746 41.79353135 48 43.5 C50.60647609 45.7455794 53.08934521 48.04551512 55.5 50.5 C57.89053167 52.93389732 60.35046262 55.21355559 62.9375 57.4375 C66.46634763 60.47679651 69.73005027 63.71016847 72.99609375 67.02734375 C75.58116575 69.57210274 78.31245061 71.91792631 81.0625 74.28125 C83.57510292 76.51017195 85.90558944 78.89348049 88.2578125 81.2890625 C91.0395671 84.02092016 94.01062664 86.49868759 97 89 C92.01337832 90.66220723 87.6415318 88.17077889 82.8125 86.5 C81.79607422 86.17257813 80.77964844 85.84515625 79.73242188 85.5078125 C72.80907296 83.13000642 68.10982064 80.20569352 63 75 C62.37585205 74.38833984 61.7517041 73.77667969 61.10864258 73.14648438 C58.59092212 70.66161365 56.11962996 68.1326748 53.64453125 65.60546875 C50.56438368 62.48657718 47.45185962 59.48085856 44.125 56.625 C38.46246236 51.7423657 33.30757995 46.35264544 28.06640625 41.02734375 C23.85391394 36.77388718 19.57788777 32.71126826 15.03613281 28.81347656 C11.05521832 25.2678851 7.36217856 21.42374658 3.625 17.625 C2.03616475 16.01074338 0.44513097 14.39864674 -1.1484375 12.7890625 C-1.84114746 12.08475098 -2.53385742 11.38043945 -3.24755859 10.65478516 C-4.91166413 8.92378526 -4.91166413 8.92378526 -7 8 C-5.50902342 4.2047869 -3.24299151 2.38957269 0 0 Z " fill="#F8F8F8" transform="translate(2400,3406)"/>
<path d="M0 0 C2.5996261 0.70936367 5.07607208 1.53630521 7.59413147 2.49517822 C8.55605911 2.85935852 9.51798676 3.22353882 10.50906372 3.59875488 C12.05442055 4.19088776 12.05442055 4.19088776 13.6309967 4.79498291 C15.24239784 5.40766022 15.24239784 5.40766022 16.88635254 6.03271484 C19.16074826 6.89838775 21.43441844 7.76596895 23.70741272 8.63531494 C27.1509706 9.95209014 30.59681589 11.26272158 34.04310608 12.57232666 C36.26004228 13.41701316 38.47684341 14.26205426 40.6934967 15.10748291 C42.21759911 15.6874704 42.21759911 15.6874704 43.77249146 16.2791748 C50.779885 18.96243476 57.71511506 21.79687744 64.62709045 24.71685791 C61.21738573 26.98999439 57.66085578 28.66062509 53.93959045 30.34185791 C52.91575256 30.82912354 52.91575256 30.82912354 51.87123108 31.32623291 C42.5286041 35.52556288 35.0425616 33.30820891 25.56459045 30.59185791 C23.24584049 29.94639028 20.92682441 29.30187798 18.6075592 28.65826416 C17.4427301 28.33229248 16.277901 28.0063208 15.07777405 27.67047119 C9.85998631 26.22851004 4.61953251 24.87834166 -0.62290955 23.52935791 C-8.9115701 21.38385747 -17.15992206 19.13662892 -25.37290955 16.71685791 C-21.98036123 13.13756382 -18.57196997 10.33220848 -14.43540955 7.65435791 C-13.43638611 7.00338135 -12.43736267 6.35240479 -11.4080658 5.68170166 C-10.40646423 5.03330322 -9.40486267 4.38490479 -8.37290955 3.71685791 C-6.85503845 2.574104 -6.85503845 2.574104 -5.3065033 1.40826416 C-2.37290955 -0.28314209 -2.37290955 -0.28314209 0 0 Z " fill="#FAFAFA" transform="translate(1981.3729095458984,1266.2831420898438)"/>
<path d="M0 0 C2.08056641 1.16748047 2.08056641 1.16748047 4.1015625 2.6171875 C4.83890625 3.14183594 5.57625 3.66648437 6.3359375 4.20703125 C7.09132813 4.75746094 7.84671875 5.30789063 8.625 5.875 C9.388125 6.41769531 10.15125 6.96039062 10.9375 7.51953125 C14.18584443 9.85036085 17.23224349 12.10141579 20 15 C18.92443848 15.32162109 17.84887695 15.64324219 16.74072266 15.97460938 C11.70176792 17.48180288 6.6633279 18.99071257 1.625 20.5 C0.71817474 20.77155914 -0.18865051 21.04311829 -1.12295532 21.32290649 C-13.54917894 25.04544327 -25.96412561 28.79904112 -38.34326172 32.67578125 C-39.7724292 33.12050781 -39.7724292 33.12050781 -41.23046875 33.57421875 C-42.03895264 33.82776123 -42.84743652 34.08130371 -43.68041992 34.3425293 C-48.36504225 35.67035668 -51.07576416 36.36785938 -55.64453125 34.34765625 C-56.90620117 33.80141602 -56.90620117 33.80141602 -58.19335938 33.24414062 C-59.05767578 32.85419922 -59.92199219 32.46425781 -60.8125 32.0625 C-61.69615234 31.67642578 -62.57980469 31.29035156 -63.49023438 30.89257812 C-65.66565238 29.94009781 -67.83492068 28.9756986 -70 28 C-67.85029478 25.62254288 -65.96824646 24.3538899 -63.01367188 23.1340332 C-62.21433228 22.79970779 -61.41499268 22.46538239 -60.59143066 22.1209259 C-59.72594604 21.76777817 -58.86046143 21.41463043 -57.96875 21.05078125 C-57.06362671 20.67447067 -56.15850342 20.2981601 -55.22595215 19.91044617 C-52.32014715 18.70412221 -49.41023424 17.5080935 -46.5 16.3125 C-43.65881186 15.13687776 -40.81848983 13.95918246 -37.97827148 12.78121948 C-36.09871411 12.00333493 -34.21801561 11.22820187 -32.33618164 10.45584106 C-27.71039138 8.55498511 -23.10600056 6.62005509 -18.53125 4.59912109 C-17.66673218 4.22127975 -16.80221436 3.84343842 -15.91149902 3.45414734 C-14.28625427 2.74139519 -12.66553417 2.0182001 -11.05041504 1.28279114 C-4.27239998 -1.6723982 -4.27239998 -1.6723982 0 0 Z " fill="#FAFAFA" transform="translate(2164,1262)"/>
<path d="M0 0 C3.3 0.99 6.6 1.98 10 3 C8.8947437 10.02507602 8.8947437 10.02507602 8.34326172 13.50146484 C7.57954956 18.31571861 6.82501125 23.13111694 6.0859375 27.94921875 C4.23551341 39.89650138 2.15099033 51.75784727 -0.33740234 63.59033203 C-1.39163947 68.65790601 -2.22862597 73.63593846 -2.73510742 78.78564453 C-3.11964201 82.000141 -3.7819982 85.13996825 -4.44238281 88.30761719 C-8.12836978 106.10493079 -11.09060245 124.06241661 -14 142 C-14.66 141.67 -15.32 141.34 -16 141 C-16.77958424 138.20526404 -17.45397928 135.45705079 -18.0625 132.625 C-18.40645661 131.07527729 -18.75146797 129.52578821 -19.09765625 127.9765625 C-19.24726807 127.28643066 -19.39687988 126.59629883 -19.55102539 125.88525391 C-20.01996123 123.79371382 -20.01996123 123.79371382 -21 121 C-21.45378213 114.48490302 -20.75909397 108.29633425 -19.49609375 101.91796875 C-19.33757431 101.0783107 -19.17905487 100.23865265 -19.01573181 99.37355042 C-18.49819817 96.64315857 -17.96794992 93.91540909 -17.4375 91.1875 C-17.07092149 89.26676471 -16.70521122 87.34586352 -16.34033203 85.42480469 C-15.59497598 81.50739474 -14.84474437 77.59096874 -14.09033203 73.67529297 C-13.08726393 68.46438782 -12.10041744 63.25057015 -11.12109375 58.03515625 C-7.48338005 38.6766635 -3.76403482 19.33430658 0 0 Z " fill="#F7F7F7" transform="translate(1141,3072)"/>
<path d="M0 0 C2.63818359 0.28979492 2.63818359 0.28979492 4.58862305 1.98632812 C5.13736084 2.76322998 5.68609863 3.54013184 6.25146484 4.34057617 C6.85925781 5.18426758 7.46705078 6.02795898 8.09326172 6.8972168 C8.70621094 7.78989258 9.31916016 8.68256836 9.95068359 9.60229492 C10.58296875 10.48336914 11.21525391 11.36444336 11.86669922 12.2722168 C16.45428977 18.73811344 16.45428977 18.73811344 17.63818359 22.28979492 C3.0013195 22.40070611 -11.60802917 22.33992116 -26.23681641 21.85229492 C-27.43967285 21.81305908 -28.6425293 21.77382324 -29.88183594 21.73339844 C-32.21355138 21.64949018 -34.54485262 21.55300122 -36.87548828 21.44311523 C-39.27648375 21.33752524 -41.67943588 21.27146583 -44.08251953 21.23803711 C-51.95096872 20.98940582 -56.54926647 20.07005402 -62.11181641 14.41479492 C-62.69962891 13.87209961 -63.28744141 13.3294043 -63.89306641 12.77026367 C-66.39593475 10.42238947 -68.45439239 8.15093094 -70.36181641 5.28979492 C-55.02502261 3.82832915 -39.66859026 2.71776127 -24.29931641 1.66479492 C-22.82029846 1.56248062 -22.82029846 1.56248062 -21.31140137 1.45809937 C-18.46247864 1.26157399 -15.61336592 1.06810635 -12.76416016 0.87573242 C-11.90553879 0.81645065 -11.04691742 0.75716888 -10.16227722 0.6960907 C-8.58678254 0.59129761 -7.01070765 0.49473973 -5.43409729 0.40834045 C-3.62058955 0.30459813 -1.80976112 0.15600483 0 0 Z " fill="#F9F9F9" transform="translate(2424.36181640625,1331.710205078125)"/>
<path d="M0 0 C1.06520874 0.0315065 2.13041748 0.063013 3.22790527 0.09547424 C4.83260681 0.16809731 4.83260681 0.16809731 6.46972656 0.2421875 C7.41545532 0.27001816 8.36118408 0.29784882 9.33557129 0.32652283 C12.17832106 0.41192471 15.01885526 0.52469175 17.86035156 0.64453125 C18.88980896 0.68655167 19.91926636 0.72857208 20.97991943 0.77186584 C23.13445124 0.86057669 25.28893144 0.95054933 27.44335938 1.04174805 C30.72542381 1.17992736 34.00770097 1.31186015 37.29003906 1.44335938 C39.39682556 1.53087362 41.50359699 1.61875161 43.61035156 1.70703125 C44.58135803 1.74561752 45.5523645 1.7842038 46.55279541 1.82395935 C51.91046941 2.05628446 57.15855312 2.49610896 62.46972656 3.2421875 C49.76051947 18.96146996 49.76051947 18.96146996 41.46972656 20.2421875 C39.61200392 20.43127324 37.75096216 20.58928768 35.88842773 20.72290039 C34.79346481 20.80290787 33.69850189 20.88291534 32.57035828 20.96534729 C31.3963295 21.04768112 30.22230072 21.13001495 29.01269531 21.21484375 C27.79576492 21.30221298 26.57883453 21.38958221 25.32502747 21.479599 C22.75219644 21.66349702 20.17925065 21.8457955 17.60620117 22.02661133 C13.68211771 22.30293473 9.75853355 22.58566614 5.83496094 22.86914062 C3.33173315 23.04726078 0.82847875 23.22500739 -1.67480469 23.40234375 C-2.84276077 23.48670181 -4.01071686 23.57105988 -5.21406555 23.65797424 C-11.00310341 24.06082694 -16.72728592 24.33747829 -22.53027344 24.2421875 C-19.47819426 18.71763072 -16.17691886 13.45678824 -12.53027344 8.3046875 C-12.02882813 7.52544922 -11.52738281 6.74621094 -11.01074219 5.94335938 C-7.7553608 1.42463656 -5.67200548 -0.21523842 0 0 Z " fill="#FAFAFA" transform="translate(1724.5302734375,1342.7578125)"/>
<path d="M0 0 C-0.20022243 2.48697338 -0.42928637 4.95897353 -0.72241211 7.43725586 C-1.09182842 11.02497915 -1.09182842 11.02497915 -0.72729492 14.71508789 C-0.65867128 19.27841919 -0.7236304 22.9691305 -3 27 C-9.09563267 32.65353404 -17.42901173 35.6330266 -24.9375 38.9375 C-26.98635735 39.89084521 -29.03261835 40.84979127 -31.07617188 41.81445312 C-35.09217311 43.69878078 -39.12101985 45.54871578 -43.16748047 47.36669922 C-48.72868102 49.8664302 -54.24766395 52.44814012 -59.75390625 55.06640625 C-60.53378403 55.43636215 -61.3136618 55.80631805 -62.11717224 56.18748474 C-65.42757532 57.76139223 -68.72484799 59.35370725 -72 61 C-67.3774545 42.26468302 -67.3774545 42.26468302 -60.46875 37.62109375 C-59.57406006 37.01797363 -58.67937012 36.41485352 -57.75756836 35.79345703 C-53.56496725 33.06668875 -49.33213154 30.41675917 -45.0625 27.8125 C-43.21831805 26.67908794 -41.37457757 25.5449573 -39.53125 24.41015625 C-38.60957031 23.84312988 -37.68789062 23.27610352 -36.73828125 22.69189453 C-32.49634282 20.07093935 -28.27711984 17.41460259 -24.0625 14.75 C-23.28737061 14.26023682 -22.51224121 13.77047363 -21.71362305 13.26586914 C-18.04477535 10.943137 -14.38465538 8.60786969 -10.73828125 6.25 C-10.0827124 5.8262207 -9.42714355 5.40244141 -8.75170898 4.96582031 C-7.53227322 4.17581249 -6.31425224 3.38361501 -5.09790039 2.58886719 C-1.10844878 0 -1.10844878 0 0 0 Z " fill="#FAFAFA" transform="translate(2761,2545)"/>
<path d="M0 0 C-4.39247681 7.30017272 -9.24313607 14.10614551 -14.38598633 20.88720703 C-17.63480024 25.17296217 -20.82032582 29.49272855 -23.9375 33.875 C-24.33864014 34.42768555 -24.73978027 34.98037109 -25.15307617 35.54980469 C-27.54532372 38.86366737 -29.78534328 42.23128124 -31.94921875 45.69921875 C-37.62520956 54.53433724 -41.9367753 60.49265939 -52.44384766 63.05102539 C-54.28531979 63.42403197 -56.14300091 63.71415407 -58 64 C-59.14597656 64.19464844 -60.29195312 64.38929687 -61.47265625 64.58984375 C-62.30667969 64.72519531 -63.14070313 64.86054687 -64 65 C-60.5228529 57.79970886 -56.69367929 50.88078666 -52.625 44 C-51.39257926 41.90272552 -50.1608339 39.80505405 -48.9296875 37.70703125 C-48.2912793 36.61986816 -47.65287109 35.53270508 -46.99511719 34.41259766 C-42.89186533 27.39408878 -38.8482651 20.34094983 -34.79931641 13.29101562 C-33.90092041 11.72963867 -33.90092041 11.72963867 -32.984375 10.13671875 C-32.45553711 9.21592529 -31.92669922 8.29513184 -31.38183594 7.34643555 C-28.29548765 2.10564166 -28.29548765 2.10564166 -26.13232422 1.33227539 C-24.03804002 1.00592769 -21.99925972 0.79523107 -19.8828125 0.68359375 C-19.11066406 0.64169922 -18.33851562 0.59980469 -17.54296875 0.55664062 C-16.34607422 0.49766602 -16.34607422 0.49766602 -15.125 0.4375 C-14.33480469 0.39431641 -13.54460937 0.35113281 -12.73046875 0.30664062 C-8.48183913 0.08395871 -4.25609981 -0.04789823 0 0 Z " fill="#FAFAFA" transform="translate(1669,1384)"/>
<path d="M0 0 C0.66 0.33 1.32 0.66 2 1 C3.03835107 4.3390113 3.55542562 7.8135234 4.1875 11.25 C4.37763672 12.20519531 4.56777344 13.16039063 4.76367188 14.14453125 C4.93833984 15.07136719 5.11300781 15.99820313 5.29296875 16.953125 C5.4530542 17.80036133 5.61313965 18.64759766 5.77807617 19.52050781 C6.16046485 23.79282842 5.65767812 26.18866529 2.91235352 29.57539368 C1.99381592 30.48806503 1.07527832 31.40073639 0.12890625 32.34106445 C-0.37681915 32.84898026 -0.88254456 33.35689606 -1.40359497 33.88020325 C-3.07210713 35.5510209 -4.75443452 37.20713499 -6.4375 38.86328125 C-7.60032791 40.02118515 -8.76234521 41.17990364 -9.92358398 42.33940125 C-12.3555176 44.76370176 -14.79375969 47.18139834 -17.23730469 49.59399414 C-20.37677602 52.69378086 -23.50528031 55.80434289 -26.62980652 58.91918659 C-29.60384135 61.883274 -32.58283061 64.84235968 -35.5625 67.80078125 C-36.13410858 68.36899408 -36.70571716 68.93720692 -37.29464722 69.52263832 C-38.90335589 71.11983074 -40.5154985 72.71346444 -42.12890625 74.3059082 C-43.04744385 75.21460159 -43.96598145 76.12329498 -44.91235352 77.05952454 C-47 79 -47 79 -48 79 C-49.14019875 69.48859849 -50.19193635 60.60268036 -44.01049805 52.68359375 C-41.68395733 50.0342476 -39.29371515 47.46212196 -36.83447266 44.93554688 C-33.85181509 41.78855337 -31.19583864 38.39217768 -28.5 35 C-27.42346442 33.67188716 -26.3453344 32.34506517 -25.265625 31.01953125 C-23.04635939 28.28817878 -20.8276805 25.55635104 -18.609375 22.82421875 C-12.42130537 15.20373387 -6.22408152 7.59112785 0 0 Z " fill="#FCFCFC" transform="translate(2872,2299)"/>
<path d="M0 0 C4.08359816 0.13894957 8.16679956 0.28734938 12.25 0.4375 C13.40886719 0.47681641 14.56773437 0.51613281 15.76171875 0.55664062 C16.87675781 0.59853516 17.99179688 0.64042969 19.140625 0.68359375 C20.16704102 0.72025146 21.19345703 0.75690918 22.25097656 0.79467773 C27.09686363 1.15661299 27.09686363 1.15661299 29 2 C30.74487305 4.33129883 30.74487305 4.33129883 32.51171875 7.45703125 C32.83763504 8.02392166 33.16355133 8.59081207 33.49934387 9.17488098 C34.57349614 11.0478077 35.63013197 12.93005552 36.6875 14.8125 C38.19638038 17.45495338 39.71392296 20.09240926 41.23046875 22.73046875 C41.61866791 23.40871704 42.00686707 24.08696533 42.40682983 24.7857666 C46.98963195 32.77286538 51.80416225 40.61765276 56.6289978 48.46011353 C57.68204975 50.17251683 58.73172978 51.88699235 59.78125 53.6015625 C60.38001953 54.57432129 60.97878906 55.54708008 61.59570312 56.54931641 C63 59 63 59 64 62 C61.66259848 61.59900109 59.35149905 61.14820373 57.03515625 60.63671875 C54.00990243 59.95388781 54.00990243 59.95388781 50.93359375 59.64453125 C42.58893095 58.11894259 38.89611269 54.19709061 34.1875 47.5625 C32.39939628 44.96857902 30.63565106 42.36006327 28.8828125 39.7421875 C25.66042418 35.04899953 22.16515246 30.56787176 18.6875 26.0625 C17.34421977 24.30532345 16.00174492 22.54753088 14.66015625 20.7890625 C12.92437684 18.51785744 11.18855428 16.2466854 9.45263672 13.97558594 C8.17331546 12.2988013 6.89829069 10.61886574 5.625 8.9375 C4.95726563 8.05964844 4.28953125 7.18179687 3.6015625 6.27734375 C2.1634754 4.23245404 1.08613581 2.24210726 0 0 Z " fill="#F9F9F9" transform="translate(2480,1377)"/>
<path d="M0 0 C3.3 0 6.6 0 10 0 C11.77470902 6.51505021 12.8148579 13.00513042 13.75 19.6875 C15.37023532 30.96085244 17.1514967 42.19982851 19 53.4375 C20.99029704 65.54988794 22.84817121 77.66810573 24.52026367 89.8293457 C25.37476731 95.94032781 26.32311666 102.02476265 27.390625 108.1015625 C27.50881088 108.7748761 27.62699677 109.4481897 27.74876404 110.14190674 C28.325424 113.41006614 28.91372707 116.67549486 29.51391602 119.93945312 C29.72201904 121.09638672 29.93012207 122.25332031 30.14453125 123.4453125 C30.33378174 124.47156738 30.52303223 125.49782227 30.71801758 126.55517578 C31 129 31 129 30 131 C17.83241786 115.82670998 12.45987556 103.22700114 10.25390625 84.0234375 C9.94411078 81.70965288 9.62913842 79.39655622 9.30931091 77.08413696 C8.4927669 71.0781455 7.7469345 65.06552072 7.01660156 59.04852295 C6.2557606 52.89358546 5.42378701 46.74827816 4.59960938 40.6015625 C3.41040384 31.65329459 2.24553646 22.7025359 1.13891602 13.74365234 C1.02222061 12.81076889 0.90552521 11.87788544 0.78529358 10.91673279 C0.68075867 10.05954147 0.57622375 9.20235016 0.46852112 8.31918335 C0.37738824 7.57713842 0.28625536 6.8350935 0.19236088 6.07056236 C0.00508239 4.05470657 0 2.02453644 0 0 Z " fill="#F9F9F9" transform="translate(1512,3324)"/>
<path d="M0 0 C1.2375 1.09054687 1.2375 1.09054687 2.5 2.203125 C3.44875 3.02296875 4.3975 3.8428125 5.375 4.6875 C5.87902344 5.13416016 6.38304688 5.58082031 6.90234375 6.04101562 C9.14916814 8.02690075 11.42988646 9.97223203 13.70898438 11.92089844 C14.90986282 12.94825846 16.10906576 13.97758001 17.30664062 15.00878906 C20.83088403 18.04194937 24.38960087 21.02233041 28 23.953125 C32.42852623 27.56081826 36.82407844 31.20458945 41.1875 34.890625 C42.12529297 35.67179687 42.12529297 35.67179687 43.08203125 36.46875 C44.59319008 37.75289618 46.05201268 39.09814708 47.5 40.453125 C47.5 41.113125 47.5 41.773125 47.5 42.453125 C45.45287427 42.73548717 43.4016906 42.99635648 41.34375 43.18432617 C39.41940414 43.36622047 37.50065878 43.61875842 35.59375 43.93481445 C23.0012933 45.18317162 14.93138514 38.13560716 5.125 31.140625 C3.44737791 29.97813348 1.76769817 28.81860557 0.0859375 27.66210938 C-3.20500306 25.39166121 -6.48279042 23.10418607 -9.74902344 20.79833984 C-14.38300986 17.52773114 -19.04893778 14.30544801 -23.7265625 11.09765625 C-24.41406586 10.6258342 -25.10156921 10.15401215 -25.80990601 9.66789246 C-27.37285519 8.5956974 -28.93635737 7.52430851 -30.5 6.453125 C-29.5 4.453125 -29.5 4.453125 -27.55395508 3.67529297 C-26.71759521 3.43439941 -25.88123535 3.19350586 -25.01953125 2.9453125 C-24.10236328 2.68105469 -23.18519531 2.41679688 -22.24023438 2.14453125 C-21.27408203 1.87511719 -20.30792969 1.60570312 -19.3125 1.328125 C-18.36568359 1.05097656 -17.41886719 0.77382812 -16.44335938 0.48828125 C-4.62322376 -2.8606197 -4.62322376 -2.8606197 0 0 Z " fill="#FAFAFA" transform="translate(2258.5,1281.546875)"/>
<path d="M0 0 C0.01274087 2.74869633 0.02436007 5.49738945 0.03515625 8.24609375 C0.03884216 9.1116539 0.04252808 9.97721405 0.04632568 10.8690033 C0.06313616 15.68924663 0.06017244 20.50845874 0.02416992 25.32861328 C0.01050057 27.31412486 -0.00276275 29.29963928 -0.015625 31.28515625 C-0.0254969 32.77450684 -0.0254969 32.77450684 -0.03556824 34.29394531 C-0.05251856 39.69415898 0.06231684 45.05516027 0.38087463 50.44586182 C1.67909484 72.60689669 1.67909484 72.60689669 -3.09228516 78.64990234 C-7.91882945 82.83651266 -16.24005213 89 -23 89 C-22.40578857 79.66919379 -21.55524928 70.40359404 -20.44140625 61.12109375 C-20.21758522 59.23753929 -20.21758522 59.23753929 -19.98924255 57.31593323 C-19.67583482 54.68982079 -19.36063656 52.06392146 -19.04370117 49.43823242 C-18.6388657 46.08366138 -18.24356737 42.7280381 -17.8505106 39.37206936 C-17.47032612 36.14183505 -17.08025594 32.91279461 -16.69140625 29.68359375 C-16.55174942 28.48463974 -16.41209259 27.28568573 -16.26820374 26.05039978 C-16.06305397 24.37694237 -16.06305397 24.37694237 -15.85375977 22.66967773 C-15.73686295 21.69264389 -15.61996613 20.71561005 -15.49952698 19.70896912 C-14.69363197 15.33854513 -13.39757086 12.00822942 -10.21484375 8.88671875 C-9.68439453 8.36142578 -9.15394531 7.83613281 -8.60742188 7.29492188 C-8.05634766 6.76447266 -7.50527344 6.23402344 -6.9375 5.6875 C-6.38255859 5.13771484 -5.82761719 4.58792969 -5.25585938 4.02148438 C-1.15444488 0 -1.15444488 0 0 0 Z " fill="#FBFBFB" transform="translate(2804,2425)"/>
<path d="M0 0 C6.59045168 4.04252328 12.95346929 8.33064639 19.25 12.8125 C25.15809432 17.01672523 31.11516151 21.12086641 37.16357422 25.12011719 C42.60035135 28.71957878 47.99236086 32.38263514 53.375 36.0625 C54.21466309 36.63540771 55.05432617 37.20831543 55.91943359 37.79858398 C56.69625488 38.33040283 57.47307617 38.86222168 58.2734375 39.41015625 C58.96872559 39.88590088 59.66401367 40.36164551 60.38037109 40.85180664 C62 42 62 42 63 43 C63.08748207 44.92667507 63.10697334 46.85651861 63.09765625 48.78515625 C63.09443359 49.95498047 63.09121094 51.12480469 63.08789062 52.33007812 C63.07532227 54.17762695 63.07532227 54.17762695 63.0625 56.0625 C63.05798828 57.29806641 63.05347656 58.53363281 63.04882812 59.80664062 C63.03699608 62.87114117 63.02051173 65.93554721 63 69 C57.88520307 65.24760575 52.96564084 61.35863003 48.1875 57.1875 C43.11605991 52.7995753 37.98370901 48.50512641 32.77734375 44.27734375 C29.09976255 41.26183061 25.47565144 38.18548589 21.85766602 35.09887695 C19.21470631 32.8499283 16.55699076 30.63065893 13.8359375 28.4765625 C12.85882812 27.70054688 11.88171875 26.92453125 10.875 26.125 C10.00617187 25.44695312 9.13734375 24.76890625 8.2421875 24.0703125 C3.95249364 20.10944535 2.54395756 16.06050463 1.3125 10.4375 C1.06113281 9.32246094 0.80976563 8.20742187 0.55078125 7.05859375 C0 4 0 4 0 0 Z " fill="#FBFBFB" transform="translate(2756,1664)"/>
<path d="M0 0 C0.66 0 1.32 0 2 0 C2.92720765 2.84240742 3.85428273 5.68485794 4.78125 8.52734375 C5.07080063 9.41514023 5.36035126 10.30293671 5.65867615 11.21763611 C7.25121682 16.10203814 8.84153815 20.98714811 10.42797852 25.87353516 C11.06784644 27.84408353 11.70773891 29.81462393 12.34765625 31.78515625 C12.66368301 32.75843872 12.97970978 33.73172119 13.30531311 34.73449707 C14.895015 39.62416762 16.49520153 44.50983957 18.12496948 49.38630676 C18.71844732 51.16331407 19.30661992 52.94209056 19.89453125 54.72094727 C20.57129276 56.76754886 21.25697487 58.81123032 21.953125 60.85131836 C22.24574219 61.74343018 22.53835937 62.63554199 22.83984375 63.5546875 C23.09113037 64.30218262 23.34241699 65.04967773 23.60131836 65.81982422 C24.09677235 68.52919601 23.78302813 70.36716745 23 73 C21.28787984 75.3120697 19.59044496 77.42322553 17.6875 79.5625 C17.20087891 80.12646484 16.71425781 80.69042969 16.21289062 81.27148438 C13.58116992 84.2999113 10.85250206 87.17646122 8 90 C4.26812502 78.06644091 1.81490663 65.9387089 -0.625 53.6875 C-1.21827296 50.73541055 -1.81313163 47.78364515 -2.40853882 44.83198547 C-2.77523229 43.01133358 -3.14043282 41.19038007 -3.5038147 39.36906433 C-4.4639625 34.57165214 -5.47765806 29.79290374 -6.57870483 25.02571106 C-8.61952207 15.21286161 -4.68114991 8.39502139 0 0 Z " fill="#F8F8F8" transform="translate(2873,2172)"/>
<path d="M0 0 C0.66 0.33 1.32 0.66 2 1 C1.74801346 1.68301178 1.49602692 2.36602356 1.23640442 3.06973267 C-1.16148964 9.56964355 -3.55868001 16.06981358 -5.95511913 22.570261 C-7.18658224 25.91058606 -8.41829844 29.2508173 -9.65063477 32.59082031 C-10.84431907 35.82609549 -12.03728411 39.0616351 -13.22979164 42.29734421 C-13.89662702 44.10617189 -14.56416946 45.91473887 -15.23173523 47.72329712 C-15.65179337 48.86342255 -16.0718515 50.00354797 -16.50463867 51.17822266 C-16.91830688 52.2894902 -17.3319751 53.40075775 -17.75817871 54.54570007 C-18.63605111 56.98762517 -19.46262833 59.41621932 -20.24572754 61.88752747 C-20.4548367 62.52660978 -20.66394587 63.1656921 -20.87939167 63.82414055 C-21.45917072 65.60507143 -22.01899657 67.39246229 -22.57756042 69.18016052 C-24.30711266 72.60881911 -25.61484075 73.28154112 -29.1953125 74.49609375 C-31.16069405 74.87364697 -33.13949571 75.18641483 -35.125 75.4375 C-36.12660156 75.62119141 -37.12820312 75.80488281 -38.16015625 75.99414062 C-45.31520207 77.22826598 -45.31520207 77.22826598 -49 76 C-42.43637626 62.19928272 -35.80058456 48.43432486 -29.125 34.6875 C-28.57635788 33.55699722 -28.57635788 33.55699722 -28.01663208 32.40365601 C-27.6573764 31.66354279 -27.29812073 30.92342957 -26.92797852 30.16088867 C-26.57662842 29.43667725 -26.22527832 28.71246582 -25.86328125 27.96630859 C-25.17529719 26.55330013 -24.48404024 25.1418799 -23.78930664 23.73217773 C-22.3496348 20.80890706 -20.95579842 17.89705226 -19.66967773 14.90161133 C-16.9107818 8.62635085 -14.10476331 5.98315293 -7.8125 3.3125 C-6.72678711 2.79526367 -6.72678711 2.79526367 -5.61914062 2.26757812 C-3.78448764 1.42278442 -1.89455477 0.70020726 0 0 Z " fill="#FBFBFB" transform="translate(2654,2642)"/>
<path d="M0 0 C3.82092733 3.54439439 6.13205064 7.91578191 8.75 12.375 C9.26949219 13.22578125 9.78898437 14.0765625 10.32421875 14.953125 C11.05318359 16.19449219 11.05318359 16.19449219 11.796875 17.4609375 C12.46734863 18.58701416 12.46734863 18.58701416 13.15136719 19.73583984 C14.49369065 23.3171712 13.50942441 25.8067985 12.05126953 29.22216797 C11.4728833 30.34582764 11.4728833 30.34582764 10.8828125 31.4921875 C10.44614258 32.35070313 10.00947266 33.20921875 9.55957031 34.09375 C9.08616211 35.0115625 8.61275391 35.929375 8.125 36.875 C7.12061803 38.85065971 6.11807143 40.82725336 5.1171875 42.8046875 C4.60124023 43.82401367 4.08529297 44.84333984 3.55371094 45.89355469 C1.05131506 50.89677359 -1.35095058 55.94661178 -3.75 61 C-7.7359751 69.38458432 -11.79652127 77.72215963 -16 86 C-18.17340113 82.7398983 -19.41859324 79.48184577 -20.6875 75.8125 C-20.92533203 75.17763672 -21.16316406 74.54277344 -21.40820312 73.88867188 C-21.62798828 73.25123047 -21.84777344 72.61378906 -22.07421875 71.95703125 C-22.37718872 71.10588745 -22.37718872 71.10588745 -22.6862793 70.23754883 C-23.71126951 62.92701551 -20.85396246 56.11765702 -18.359375 49.39453125 C-17.99531555 48.39346848 -17.6312561 47.3924057 -17.25616455 46.36100769 C-16.09529153 43.17524045 -14.92272495 39.99392076 -13.75 36.8125 C-12.97711828 34.6949337 -12.204976 32.57709736 -11.43359375 30.45898438 C-7.71526596 20.27003715 -3.95662798 10.09923148 0 0 Z " fill="#FBFBFB" transform="translate(2894,2036)"/>
<path d="M0 0 C4.74722012 4.42830898 8.54032113 9.44728587 12.4375 14.625 C13.13834717 15.55070801 13.83919434 16.47641602 14.5612793 17.43017578 C20.34255323 25.08422003 26.06022692 32.78427583 31.7109375 40.53515625 C33.8770468 43.49927203 36.08926362 46.41728811 38.3515625 49.30859375 C38.87322998 49.98615723 39.39489746 50.6637207 39.93237305 51.36181641 C40.90410272 52.62120328 41.88913109 53.87049101 42.88989258 55.10693359 C44.91411074 57.75724981 45.99849299 59.4537097 46.0078125 62.83203125 C44.65380456 67.08823449 43.10564435 71.23271681 41.4375 75.375 C41.10814453 76.20644531 40.77878906 77.03789063 40.43945312 77.89453125 C39.63155238 79.93184618 38.8182989 81.96684442 38 84 C34.85480253 81.09555451 32.77549499 78.20901302 30.6796875 74.484375 C30.06706055 73.40607422 29.45443359 72.32777344 28.82324219 71.21679688 C28.18032227 70.07275391 27.53740234 68.92871094 26.875 67.75 C25.52770859 65.37776223 24.17468928 63.0088234 22.8203125 60.640625 C22.48837891 60.05941895 22.15644531 59.47821289 21.81445312 58.87939453 C19.22326929 54.35578056 16.53568426 49.90582948 13.75 45.5 C13.36787354 44.88624512 12.98574707 44.27249023 12.59204102 43.64013672 C10.44415945 40.20805283 8.21451215 36.85266083 5.91015625 33.5234375 C0.21843489 25.09926461 -3.46358047 19.42746167 -1.703125 9.015625 C-1.47109375 8.02046875 -1.2390625 7.0253125 -1 6 C-0.65920078 4.00125864 -0.32361134 2.00159607 0 0 Z " fill="#FAFAFA" transform="translate(2857,1908)"/>
<path d="M0 0 C7.90260169 -0.39513008 15.49775964 1.08972609 23.25 2.4375 C24.6249042 2.67048789 25.9999037 2.90291419 27.375 3.13476562 C38.17129839 4.97078549 38.17129839 4.97078549 42 6 C42.1074664 12.60246686 41.71245093 19.00121203 41 25.5625 C40.90460937 26.47580078 40.80921875 27.38910156 40.7109375 28.33007812 C40.47808125 30.55385532 40.24104145 32.77709776 40 35 C35.56331259 35.83769934 31.12552409 36.6694138 26.6875 37.5 C25.42486328 37.73847656 24.16222656 37.97695312 22.86132812 38.22265625 C21.04858398 38.56103516 21.04858398 38.56103516 19.19921875 38.90625 C17.52605591 39.22045898 17.52605591 39.22045898 15.8190918 39.54101562 C13 40 13 40 10 40 C8.89181422 36.2511762 7.78922102 32.50072831 6.6875 28.75 C6.37876953 27.70585938 6.07003906 26.66171875 5.75195312 25.5859375 C0 5.96875 0 5.96875 0 0 Z " fill="#FCFCFC" transform="translate(886,1015)"/>
<path d="M0 0 C0.33 0 0.66 0 1 0 C0.85991329 3.5210863 0.71189018 7.04179712 0.5625 10.5625 C0.52318359 11.55314453 0.48386719 12.54378906 0.44335938 13.56445312 C0.32182759 16.37838127 0.16636604 19.18841389 0 22 C-0.08701172 23.7634375 -0.08701172 23.7634375 -0.17578125 25.5625 C-1.41462476 30.72924072 -4.05259972 34.89473417 -6.75 39.4375 C-7.94481518 41.4961745 -9.13745863 43.55611069 -10.328125 45.6171875 C-10.93978516 46.67260742 -11.55144531 47.72802734 -12.18164062 48.81542969 C-15.05342527 53.8449086 -17.77228084 58.95392238 -20.5 64.0625 C-26.67382194 75.57113973 -33.26208815 86.81403306 -40 98 C-41.41805831 97.71517632 -42.83440379 97.42181856 -44.25 97.125 C-45.03890625 96.96257813 -45.8278125 96.80015625 -46.640625 96.6328125 C-48.96831144 96.00849925 -50.89031952 95.15161458 -53 94 C-50.74477488 88.46845435 -48.08533083 83.28299568 -45.1875 78.0625 C-44.70958008 77.1977002 -44.23166016 76.33290039 -43.73925781 75.44189453 C-38.853425 66.65146438 -33.77615866 57.9748041 -28.6875 49.30078125 C-24.84078345 42.74097633 -21.04363003 36.15310404 -17.25 29.5625 C-14.83511928 25.37396753 -12.41842944 21.18648444 -10 17 C-9.46729492 16.07783691 -8.93458984 15.15567383 -8.38574219 14.20556641 C-6.96988492 11.75945673 -5.54869319 9.31655501 -4.125 6.875 C-3.71411133 6.1641626 -3.30322266 5.4533252 -2.87988281 4.72094727 C-1.94844571 3.13024887 -0.97892203 1.56192449 0 0 Z " fill="#F9F9F9" transform="translate(801,2837)"/>
<path d="M0 0 C11.22 0 22.44 0 34 0 C34.59159887 5.91598871 35.12497939 11.25441118 35.09765625 17.1015625 C35.09443359 18.33261719 35.09121094 19.56367188 35.08789062 20.83203125 C35.07532227 22.70955078 35.07532227 22.70955078 35.0625 24.625 C35.05798828 25.91535156 35.05347656 27.20570313 35.04882812 28.53515625 C35.03714295 31.69015375 35.02076044 34.84505137 35 38 C26.87984099 36.77743648 18.99354418 35.12054391 11.0625 33 C10.06154297 32.73960937 9.06058594 32.47921875 8.02929688 32.2109375 C3.55469642 31.03042999 -0.72293342 29.7845444 -5 28 C-4.58179944 18.31865713 -2.32473788 9.37394308 0 0 Z " fill="#FCFCFC" transform="translate(3052,3317)"/>
<path d="M0 0 C3.79279513 1.80560715 6.96115651 4.16205759 10.25 6.75 C11.33810959 7.59951206 12.42665735 8.44846315 13.515625 9.296875 C14.06669922 9.72677734 14.61777344 10.15667969 15.18554688 10.59960938 C18.42931827 13.10314446 21.71518569 15.55070334 25 18 C23.73352961 21.21007247 22.46104162 24.41772707 21.1875 27.625 C20.83107422 28.52863281 20.47464844 29.43226563 20.10742188 30.36328125 C18.25370842 35.0230747 16.33710254 39.56171695 14 44 C6.32963238 42.69424676 -0.89061189 40.56304023 -8.25 38.0625 C-9.29929687 37.71509766 -10.34859375 37.36769531 -11.4296875 37.00976562 C-16.48877609 35.30952762 -21.31927167 33.57440058 -26 31 C-20.64343136 19.14485317 -8.86414286 9.29551361 0 0 Z " fill="#FAFAFA" transform="translate(556,2474)"/>
<path d="M0 0 C7.09875388 1.33649676 14.07917469 2.96937271 21.0625 4.8125 C22.06547119 5.07530762 23.06844238 5.33811523 24.10180664 5.60888672 C30.76106757 7.36833747 37.37864003 9.23678191 43.9675293 11.24316406 C47.45739067 12.295264 50.94245931 13.24452176 54.49609375 14.05859375 C55.23029541 14.22858887 55.96449707 14.39858398 56.72094727 14.57373047 C58.11546437 14.89015609 59.51305186 15.19345688 60.91381836 15.48095703 C63.63365985 16.09832066 65.64562148 16.68367555 67.74609375 18.55859375 C69.63814371 22.24249165 70.91478345 26.06557749 72.1875 30 C72.46013672 30.80695313 72.73277344 31.61390625 73.01367188 32.4453125 C74.26586669 36.24897192 75 38.92432003 75 43 C64.122668 39.45031453 53.43279058 35.39983186 42.71875 31.38916016 C40.23857488 30.46267667 37.75679536 29.5404769 35.2734375 28.62255859 C31.69905745 27.30066406 28.13030143 25.96453282 24.5625 24.625 C23.46172119 24.22079834 22.36094238 23.81659668 21.22680664 23.40014648 C19.69334595 22.81922241 19.69334595 22.81922241 18.12890625 22.2265625 C17.23244385 21.89221191 16.33598145 21.55786133 15.41235352 21.21337891 C11.3784984 19.18440816 8.91154779 16.19661948 6.640625 12.36328125 C6.24746094 11.70392578 5.85429687 11.04457031 5.44921875 10.36523438 C5.05347656 9.68783203 4.65773438 9.01042969 4.25 8.3125 C3.83878906 7.62349609 3.42757812 6.93449219 3.00390625 6.22460938 C0 1.14990397 0 1.14990397 0 0 Z " fill="#F9F9F9" transform="translate(2587,1469)"/>
<path d="M0 0 C5.54247766 1.63652277 10.54348953 4.10006466 15.6875 6.6875 C16.57147461 7.13013184 17.45544922 7.57276367 18.36621094 8.02880859 C24.84935634 11.31796402 31.01782477 14.85638321 37 19 C36.385789 22.61450437 35.39633734 25.72390161 33.93359375 29.08203125 C33.53076172 30.01337891 33.12792969 30.94472656 32.71289062 31.90429688 C32.29201172 32.86400391 31.87113281 33.82371094 31.4375 34.8125 C31.01275391 35.79154297 30.58800781 36.77058594 30.15039062 37.77929688 C29.10460494 40.18812907 28.05435216 42.59490803 27 45 C16.80971404 44.43022057 7.01469172 42.9069892 -3 41 C-3.61262959 7.22525919 -3.61262959 7.22525919 0 0 Z " fill="#FBFBFB" transform="translate(1301,685)"/>
<path d="M0 0 C1.25159912 0.00523682 2.50319824 0.01047363 3.79272461 0.01586914 C4.78942421 0.01799156 4.78942421 0.01799156 5.80625916 0.02015686 C7.93590735 0.02577021 10.06545175 0.03832485 12.19506836 0.05102539 C13.63582205 0.05603868 15.07657739 0.06060188 16.51733398 0.06469727 C20.05577938 0.07574394 23.59416375 0.09301747 27.13256836 0.11352539 C28.14028352 4.02824863 29.13739646 7.94559639 30.13256836 11.86352539 C30.41874023 12.97469727 30.70491211 14.08586914 30.99975586 15.23071289 C31.27045898 16.30063477 31.54116211 17.37055664 31.82006836 18.47290039 C32.19711914 19.94968262 32.19711914 19.94968262 32.58178711 21.45629883 C33.13256836 24.11352539 33.13256836 24.11352539 33.13256836 28.11352539 C29.00999488 29.72397624 24.88408911 31.3257188 20.75756836 32.92602539 C19.6012793 33.3778418 18.44499023 33.8296582 17.25366211 34.29516602 C-0.36458036 41.11352539 -0.36458036 41.11352539 -5.86743164 41.11352539 C-6.09877451 27.69030048 -6.22700129 14.37534022 -3.86743164 1.11352539 C-2.86743164 0.11352539 -2.86743164 0.11352539 0 0 Z " fill="#FBFBFB" transform="translate(1119.867431640625,3329.886474609375)"/>
<path d="M0 0 C5.57027201 5.42770564 10.51662281 11.33038842 15.51953125 17.27685547 C16.83950414 18.81319594 18.21334138 20.30288012 19.59375 21.78515625 C20.3259375 22.59855469 21.058125 23.41195312 21.8125 24.25 C22.45832031 24.93578125 23.10414062 25.6215625 23.76953125 26.328125 C27.20609151 33.79037014 22.96777879 44.93502761 21.4375 52.625 C21.20353516 53.81996094 20.96957031 55.01492187 20.72851562 56.24609375 C20.15643102 59.16489275 19.58017925 62.0828012 19 65 C13.37743987 60.23855269 7.93004205 55.3289638 2.59228516 50.25048828 C-0.16141625 47.63154979 -2.87590259 45.09846306 -5.85546875 42.734375 C-8.07346272 40.91722331 -9.63377974 39.52035578 -11 37 C-11.07745401 33.43115772 -9.98034275 30.44936437 -8.75048828 27.12939453 C-7.46385148 23.47876143 -6.41553703 19.75574854 -5.31665039 16.04516602 C-4.40032948 12.96027437 -3.46895586 9.88075007 -2.5234375 6.8046875 C-2.25450684 5.92796387 -1.98557617 5.05124023 -1.70849609 4.14794922 C-1 2 -1 2 0 0 Z " fill="#FAFAFA" transform="translate(1257,2270)"/>
<path d="M0 0 C9.8409969 2.47108733 19.40090092 5.73693992 29 9 C29.14256667 18.39355936 28.72492332 27.64072209 28 37 C23.37817094 38.17064733 18.9306328 38.12797691 14.19921875 38.09765625 C13.36284378 38.0962413 12.52646881 38.09482635 11.66474915 38.09336853 C9.005629 38.08779184 6.3465945 38.07524365 3.6875 38.0625 C1.87955851 38.05748199 0.0716157 38.05291961 -1.73632812 38.04882812 C-6.15758484 38.03783004 -10.57877793 38.0205815 -15 38 C-14.4170263 33.63542146 -13.33249694 29.98081973 -11.6015625 25.9375 C-11.12203125 24.81085937 -10.6425 23.68421875 -10.1484375 22.5234375 C-9.39433594 20.77933594 -9.39433594 20.77933594 -8.625 19 C-8.13 17.83726562 -7.635 16.67453125 -7.125 15.4765625 C-4.8835392 10.23849636 -2.58430308 5.07965541 0 0 Z " fill="#FCFCFC" transform="translate(764,2949)"/>
<path d="M0 0 C7.6246558 0.84074151 15.14895131 2.15395204 22.6875 3.5625 C23.34242432 3.66989502 23.99734863 3.77729004 24.67211914 3.88793945 C35.50477762 5.67436845 35.50477762 5.67436845 38.78442383 8.58203125 C40.11959445 10.65866537 41.04662941 12.72277324 42 15 C43.02673911 16.91999707 44.06533602 18.83368213 45.11328125 20.7421875 C46.18309444 22.78467747 47.24944914 24.82898231 48.3125 26.875 C48.86228516 27.91914063 49.41207031 28.96328125 49.97851562 30.0390625 C50.49736328 31.03421875 51.01621094 32.029375 51.55078125 33.0546875 C52.02169189 33.95687012 52.49260254 34.85905273 52.9777832 35.78857422 C54 38 54 38 54 40 C52.83597656 39.9069458 52.83597656 39.9069458 51.6484375 39.81201172 C45.76688018 39.34966376 39.89184479 38.93898983 34 38.6328125 C31.6664934 38.46594722 29.33315801 38.29667049 27 38.125 C25.81277344 38.07859375 24.62554688 38.0321875 23.40234375 37.984375 C19.944433 37.6958909 17.20176555 37.34595234 14 36 C11.34777695 32.61393515 10.18858984 29.09789969 9 25 C8.52753075 23.73526397 8.04844712 22.47294871 7.55859375 21.21484375 C7.18863281 20.13332031 6.81867188 19.05179688 6.4375 17.9375 C4.65873643 12.82636923 2.76372408 7.79511013 0.69921875 2.79296875 C0 1 0 1 0 0 Z " fill="#FBFBFB" transform="translate(1543,2739)"/>
<path d="M0 0 C0.4964502 0.96317139 0.4964502 0.96317139 1.00292969 1.94580078 C6.8713367 13.31710151 12.76528508 24.66513777 18.9375 35.875 C23.41989164 44.01925245 27.74233026 52.23613896 32 60.5 C36.34317784 68.92869944 40.75207206 77.31168932 45.3125 85.625 C45.79879883 86.51155273 46.28509766 87.39810547 46.78613281 88.31152344 C47.26018555 89.17551758 47.73423828 90.03951172 48.22265625 90.9296875 C50.92521099 95.85560053 53.60235495 100.79435568 56.25 105.75 C56.63325439 106.45979004 57.01650879 107.16958008 57.41137695 107.90087891 C60 112.7675145 60 112.7675145 60 115 C48.02496948 110.84356352 40.24699155 102.24868273 34.8293457 91.16821289 C34.00306936 89.42604782 33.18538694 87.67978852 32.375 85.93017578 C29.98903304 80.84559207 27.43947734 75.84177536 24.91574097 70.82461548 C23.99795075 68.99591687 23.085189 67.1647954 22.17407227 65.33276367 C18.47418306 57.89651003 14.68030635 50.52013433 10.77319336 43.19091797 C6.48628353 35.11075851 2.43138372 26.91491376 -1.62329102 18.71630859 C-2.41110962 17.12810303 -2.41110962 17.12810303 -3.21484375 15.5078125 C-3.68011475 14.56566895 -4.14538574 13.62352539 -4.62475586 12.65283203 C-5.97097949 9.94722836 -5.97097949 9.94722836 -7.73657227 7.34326172 C-8.15350342 6.56998535 -8.57043457 5.79670898 -9 5 C-8.67 4.01 -8.34 3.02 -8 2 C-5.10441559 0.5522078 -3.25811062 0 0 0 Z " fill="#F7F7F7" transform="translate(1955,3439)"/>
<path d="M0 0 C1.30078823 1.74036494 2.51488895 3.54581891 3.6875 5.375 C6.8981318 10.34971521 10.26058097 15.13424197 13.84765625 19.84375 C15 22 15 22 14.73120117 23.94580078 C13.49770793 27.41111369 10.76471695 29.77645915 8.25 32.375 C7.19127936 33.48561872 6.13397569 34.59759 5.078125 35.7109375 C4.56443359 36.25202148 4.05074219 36.79310547 3.52148438 37.35058594 C1.24422303 39.81932433 -0.87729231 42.39771761 -3 45 C-7.32162401 43.5083947 -10.82934511 41.22771463 -14.5 38.5625 C-15.40226318 37.91075806 -15.40226318 37.91075806 -16.32275391 37.24584961 C-20.78089243 33.98216671 -25.11991786 30.58646225 -29.375 27.0625 C-29.94025391 26.60238525 -30.50550781 26.14227051 -31.08789062 25.66821289 C-32.45249753 24.5134634 -33.73490888 23.26298964 -35 22 C-35 21.01 -35 20.02 -35 19 C-32.71764695 17.29821859 -30.49707874 15.83033832 -28.0625 14.375 C-27.35335449 13.94203613 -26.64420898 13.50907227 -25.91357422 13.06298828 C-20.57025777 9.84202262 -15.12929802 6.81117879 -9.625 3.875 C-8.89418213 3.48489746 -8.16336426 3.09479492 -7.41040039 2.69287109 C-2.25629646 0 -2.25629646 0 0 0 Z " fill="#FBFBFB" transform="translate(515,1957)"/>
<path d="M0 0 C1.6370973 4.82714203 3.15856412 9.68148524 4.625 14.5625 C4.96917969 15.6752832 4.96917969 15.6752832 5.3203125 16.81054688 C5.536875 17.53435547 5.7534375 18.25816406 5.9765625 19.00390625 C6.17330566 19.65174072 6.37004883 20.2995752 6.57275391 20.96704102 C7 23 7 23 7 28 C-4.88 34.435 -4.88 34.435 -17 41 C-20.93497319 37.85202145 -22.81065526 36.21911542 -25.41015625 32.26171875 C-26.00763672 31.35873047 -26.60511719 30.45574219 -27.22070312 29.52539062 C-27.82849609 28.58888672 -28.43628906 27.65238281 -29.0625 26.6875 C-29.67416016 25.76259766 -30.28582031 24.83769531 -30.91601562 23.88476562 C-32.63446297 21.27086789 -34.32517346 18.64201667 -36 16 C-36.44843262 15.29955566 -36.89686523 14.59911133 -37.35888672 13.87744141 C-38.49609375 12.01953125 -38.49609375 12.01953125 -40 9 C-39.67 8.01 -39.34 7.02 -39 6 C-34.97981356 5.18427743 -30.95874228 4.37300025 -26.9375 3.5625 C-25.80376953 3.33240234 -24.67003906 3.10230469 -23.50195312 2.86523438 C-15.58180162 1.27196775 -8.11283682 -0.1655681 0 0 Z " fill="#FBFBFB" transform="translate(643,1455)"/>
<path d="M0 0 C3.96892804 1.84020711 6.85302624 4.45021179 10 7.4375 C13.82999279 11.17968447 13.82999279 11.17968447 18.18774414 14.24145508 C20 16 20 16 20.23999023 19.05566406 C20.11825439 20.27995117 19.99651855 21.50423828 19.87109375 22.765625 C19.80957626 23.42967346 19.74805878 24.09372192 19.68467712 24.77789307 C19.48290935 26.85576842 19.24738706 28.92709464 19 31 C18.85449707 32.23169922 18.70899414 33.46339844 18.55908203 34.73242188 C18.09122974 38.40988939 17.58339447 42.07969004 17.0625 45.75 C15.73916793 55.2910462 14.48459072 64.81613956 13.68383789 74.41699219 C13.35404281 78.01490949 12.93931262 80.90671624 11 84 C9.56147125 82.25084555 8.12421802 80.50064205 6.6875 78.75 C5.88699219 77.77546875 5.08648438 76.8009375 4.26171875 75.796875 C3.51535156 74.87390625 2.76898437 73.9509375 2 73 C1.46511963 72.42886475 0.93023926 71.85772949 0.37915039 71.26928711 C-1.56493209 68.07044719 -1.35539526 65.62138848 -1.328125 61.89453125 C-1.32661438 61.18973129 -1.32510376 60.48493134 -1.32354736 59.7587738 C-1.31414631 57.44297473 -1.28253854 55.12808037 -1.25 52.8125 C-1.23804758 51.2086652 -1.2269903 49.6048235 -1.21679688 48.00097656 C-1.08777711 31.99476052 -0.59734299 15.99481187 0 0 Z " fill="#FAFAFA" transform="translate(2833,1775)"/>
<path d="M0 0 C3.87256931 4.74103967 5.61166696 10.20200919 7.75 15.875 C8.17410156 16.95136719 8.59820313 18.02773437 9.03515625 19.13671875 C9.43089844 20.18214844 9.82664062 21.22757813 10.234375 22.3046875 C10.59756836 23.25327637 10.96076172 24.20186523 11.33496094 25.17919922 C12.62228572 30.63946007 10.95208613 34.61747332 8.234375 39.3359375 C7.67363281 40.31820313 7.11289063 41.30046875 6.53515625 42.3125 C5.94605469 43.323125 5.35695313 44.33375 4.75 45.375 C4.17636719 46.37789062 3.60273437 47.38078125 3.01171875 48.4140625 C-0.20935521 54.01975841 -3.53498862 59.54195576 -7 65 C-10.73854608 60.25731613 -13.33248814 54.95796801 -16.125 49.625 C-16.67542969 48.59632812 -17.22585938 47.56765625 -17.79296875 46.5078125 C-18.31761719 45.5075 -18.84226562 44.5071875 -19.3828125 43.4765625 C-19.86121582 42.56986816 -20.33961914 41.66317383 -20.83251953 40.72900391 C-22.11618892 37.72840657 -22.79074393 35.26001807 -23 32 C-22.07885742 29.88867188 -22.07885742 29.88867188 -20.60546875 27.96875 C-20.06623779 27.24671387 -19.52700684 26.52467773 -18.97143555 25.78076172 C-18.38273682 25.02811035 -17.79403809 24.27545898 -17.1875 23.5 C-15.98909309 21.90922337 -14.79118267 20.3180726 -13.59375 18.7265625 C-12.99046875 17.93668945 -12.3871875 17.14681641 -11.765625 16.33300781 C-9.16637599 12.89849129 -6.67487571 9.39092053 -4.1875 5.875 C-3.36887309 4.7262891 -2.5499036 3.5778222 -1.73046875 2.4296875 C-1.15941406 1.62789062 -0.58835937 0.82609375 0 0 Z " fill="#FAFAFA" transform="translate(1245,1990)"/>
<path d="M0 0 C5.10635693 0.9914326 9.76766862 2.52774216 14.625 4.375 C15.91277344 4.80232422 15.91277344 4.80232422 17.2265625 5.23828125 C19.85308086 6.26016105 21.78409214 7.25402928 24 9 C24.97868347 11.23573303 24.97868347 11.23573303 25.59838867 13.88696289 C25.83477051 14.87096069 26.07115234 15.8549585 26.31469727 16.86877441 C26.54084717 17.90207886 26.76699707 18.9353833 27 20 C27.22389404 20.9952771 27.44778809 21.9905542 27.6784668 23.01599121 C28.37725112 26.20508341 29.04247829 29.39965089 29.69921875 32.59765625 C29.9391304 33.75373886 30.17904205 34.90982147 30.42622375 36.10093689 C30.92780118 38.52162252 31.42771461 40.94265348 31.92602539 43.36401367 C32.69193691 47.08405008 33.46373821 50.80282982 34.23632812 54.52148438 C34.72430282 56.88013709 35.21194513 59.2388586 35.69921875 61.59765625 C35.93041916 62.71213638 36.16161957 63.82661652 36.39982605 64.97486877 C36.61037125 66.00031296 36.82091644 67.02575714 37.0378418 68.08227539 C37.3173896 69.43815514 37.3173896 69.43815514 37.60258484 70.82142639 C38 73 38 73 38 75 C37.46753662 74.72196533 36.93507324 74.44393066 36.38647461 74.1574707 C33.95192472 72.92358197 33.95192472 72.92358197 31.08422852 71.95776367 C24.73595928 69.08788118 21.21468197 66.19119589 18.41357422 59.68212891 C15.91161058 52.99781175 13.92389231 46.16375531 11.9375 39.3125 C11.21597584 36.95243029 10.49009751 34.59368713 9.75976562 32.23632812 C8.10915041 26.8774012 6.50837303 21.50568534 4.92819214 16.12564087 C3.32809093 10.73737963 1.66384582 5.36886039 0 0 Z " fill="#FAFAFA" transform="translate(2690,1548)"/>
<path d="M0 0 C1.98 0.66 3.96 1.32 6 2 C4.76905217 11.01362478 2.97301435 19.74535515 0.75 28.5625 C-1.64423035 38.2368538 -3.86044675 47.92563896 -5.875 57.6875 C-11.18886201 82.91757319 -17.50182262 107.37363082 -28 131 C-28.52376221 132.20245361 -28.52376221 132.20245361 -29.05810547 133.42919922 C-36.21313651 149.77507541 -45.35436226 164.70766507 -56 179 C-56 175.22391997 -54.7983389 173.41975869 -53 170.1015625 C-52.35664971 168.89835625 -51.71393466 167.69481017 -51.07177734 166.4909668 C-50.7331366 165.86024261 -50.39449585 165.22951843 -50.04559326 164.5796814 C-38.04843589 142.15162912 -30.07525729 118.91634084 -23.92578125 94.27734375 C-23.55657038 92.81273153 -23.18693527 91.34822621 -22.81690979 89.88381958 C-22.04161654 86.81219221 -21.26900127 83.73991031 -20.49871826 80.66702271 C-19.3025656 75.89530373 -18.10038609 71.12511692 -16.89697266 66.35522461 C-15.70146521 61.61590472 -14.50610832 56.87654844 -13.31280518 52.13667297 C-10.19902135 39.77033455 -7.05131459 27.41293369 -3.875 15.0625 C-3.46394285 13.46281071 -3.05289117 11.86312002 -2.6418457 10.26342773 C-1.76235329 6.84199557 -0.88168456 3.42086802 0 0 Z " fill="#F1F1F1" transform="translate(3025,3356)"/>
<path d="M0 0 C4.71758578 1.67428044 8.84498428 4.13518396 13.125 6.6875 C13.87330078 7.13085693 14.62160156 7.57421387 15.39257812 8.03100586 C31.78863112 17.78863112 31.78863112 17.78863112 34 20 C34.74269169 23.9190314 35.27742485 27.86994149 35.83935547 31.81860352 C36.12249959 33.79504629 36.41861608 35.76961643 36.71484375 37.74414062 C36.89402344 38.99001953 37.07320312 40.23589844 37.2578125 41.51953125 C37.4242627 42.66526611 37.59071289 43.81100098 37.76220703 44.99145508 C37.97617475 47.69856416 37.87002898 49.46027733 37 52 C36.24460937 51.61070312 35.48921875 51.22140625 34.7109375 50.8203125 C23.63517063 45.19164409 12.33260874 40.08751316 1 35 C0.23467608 23.31514365 -0.13339991 11.70954775 0 0 Z " fill="#FAFAFA" transform="translate(1361,2529)"/>
<path d="M0 0 C9.70445522 7.94000882 18.68200469 16.79603471 26 27 C24.2442151 30.85085191 21.88837526 33.57486845 19.06640625 36.69140625 C17.57834834 38.35386792 16.13244664 40.05441101 14.71484375 41.77734375 C13.94269531 42.69644531 13.17054687 43.61554687 12.375 44.5625 C11.66085937 45.43003906 10.94671875 46.29757812 10.2109375 47.19140625 C9.48132812 47.78824219 8.75171875 48.38507812 8 49 C4.36322725 48.62183916 1.55292244 47.43320322 -1.64453125 45.71484375 C-2.48564453 45.26689453 -3.32675781 44.81894531 -4.19335938 44.35742188 C-5.48983398 43.65456055 -5.48983398 43.65456055 -6.8125 42.9375 C-7.69615234 42.46505859 -8.57980469 41.99261719 -9.49023438 41.50585938 C-11.66331578 40.34296716 -13.83302284 39.17421625 -16 38 C-15.35306758 34.08971268 -14.17707044 30.71764835 -12.63671875 27.0703125 C-12.16169922 25.94496094 -11.68667969 24.81960938 -11.19726562 23.66015625 C-10.69904297 22.49355469 -10.20082031 21.32695313 -9.6875 20.125 C-9.20087891 18.96613281 -8.71425781 17.80726563 -8.21289062 16.61328125 C-5.76964531 10.85866577 -3.27169083 5.33106867 0 0 Z " fill="#FAFAFA" transform="translate(1801,508)"/>
<path d="M0 0 C1.83105469 2.13305664 1.83105469 2.13305664 3.671875 4.91015625 C4.66767578 6.39418945 4.66767578 6.39418945 5.68359375 7.90820312 C6.70646484 9.46958008 6.70646484 9.46958008 7.75 11.0625 C8.44738281 12.10728516 9.14476562 13.15207031 9.86328125 14.22851562 C11.58586473 16.81239085 13.29748603 19.40287507 15 22 C11.04665919 27.0508836 6.64320123 30.76239243 1.61767578 34.72363281 C0.4982163 35.60690087 -0.61777848 36.49457132 -1.73095703 37.38574219 C-3.4809092 38.78628226 -5.23904697 40.17582705 -7 41.5625 C-7.55163818 42.00424561 -8.10327637 42.44599121 -8.67163086 42.90112305 C-12.65537306 46 -12.65537306 46 -16 46 C-18.90953084 37.13521667 -21.54142598 28.23882225 -23.8125 19.1875 C-24.03123779 18.3222168 -24.24997559 17.45693359 -24.4753418 16.56542969 C-26 10.38335482 -26 10.38335482 -26 7 C-22.4231983 5.62811887 -18.83768336 4.28063896 -15.25 2.9375 C-14.23421875 2.54755859 -13.2184375 2.15761719 -12.171875 1.75585938 C-11.1921875 1.39169922 -10.2125 1.02753906 -9.203125 0.65234375 C-8.30239258 0.31195068 -7.40166016 -0.02844238 -6.47363281 -0.37915039 C-3.7179194 -1.07079855 -2.55922356 -1.22317762 0 0 Z " fill="#FBFBFB" transform="translate(1599,3569)"/>
<path d="M0 0 C-0.62664288 2.44610599 -1.28518852 4.87869627 -1.97265625 7.30859375 C-2.52726868 9.30140268 -3.07343432 11.29707233 -3.56982422 13.30517578 C-4.19705173 15.83953421 -4.87705362 18.35582778 -5.5625 20.875 C-5.75279785 21.69524658 -5.9430957 22.51549316 -6.13916016 23.3605957 C-7.14459865 26.89630316 -8.00218618 29.25668094 -11.00537109 31.49389648 C-13.62251207 32.83509572 -16.26015077 33.93191926 -19 35 C-21.05265775 35.89060434 -23.10472374 36.78257359 -25.15625 37.67578125 C-27.26928915 38.55839352 -29.38389182 39.43727143 -31.5 40.3125 C-32.5828125 40.76689453 -33.665625 41.22128906 -34.78125 41.68945312 C-35.8125 42.11806641 -36.84375 42.54667969 -37.90625 42.98828125 C-39.30327148 43.56896362 -39.30327148 43.56896362 -40.72851562 44.16137695 C-43 45 -43 45 -45 45 C-44.51328755 41.07427982 -43.95405324 37.16446337 -43.34179688 33.25634766 C-43.10381847 31.68535018 -42.88239402 30.11179316 -42.67382812 28.53662109 C-42.32723347 25.97387668 -41.91888658 23.42682372 -41.5 20.875 C-41.40106445 20.05797607 -41.30212891 19.24095215 -41.20019531 18.39916992 C-40.75972606 15.93423622 -40.28504019 14.15326497 -39 12 C-35.89971018 9.90915284 -32.57453499 9.01435551 -29 8 C-26.81369764 7.2867784 -24.62750435 6.57322243 -22.44140625 5.859375 C-20.1497931 5.15184435 -17.85679925 4.44877135 -15.5625 3.75 C-13.80776367 3.20472656 -13.80776367 3.20472656 -12.01757812 2.6484375 C-10.89931641 2.30554687 -9.78105469 1.96265625 -8.62890625 1.609375 C-7.61900635 1.29967773 -6.60910645 0.98998047 -5.56860352 0.67089844 C-3 0 -3 0 0 0 Z " fill="#FAFAFA" transform="translate(1481,1506)"/>
<path d="M0 0 C3.84244566 0.94499864 7.4493124 2.27502114 11.109375 3.75415039 C11.8333548 4.04128403 12.55733459 4.32841766 13.30325317 4.62425232 C15.59765624 5.53569418 17.88867271 6.45532322 20.1796875 7.37524414 C21.74197046 7.99753409 23.30446841 8.61928459 24.8671875 9.24047852 C28.68220345 10.7583364 32.49420549 12.28354172 36.3046875 13.81274414 C33.64917669 16.59504927 30.98167151 18.86599702 27.79296875 21.01196289 C26.95314453 21.58108398 26.11332031 22.15020508 25.24804688 22.73657227 C24.37986328 23.31858398 23.51167969 23.9005957 22.6171875 24.50024414 C20.8835465 25.66997554 19.15044376 26.84050523 17.41796875 28.01196289 C16.27001831 28.78286255 16.27001831 28.78286255 15.09887695 29.56933594 C13.36822017 30.68974075 13.36822017 30.68974075 12.3046875 31.81274414 C3.6895254 31.91950402 -4.62802114 29.10431603 -12.8203125 26.75024414 C-14.17165843 26.36861704 -15.52321983 25.9877521 -16.875 25.60766602 C-20.15062761 24.68347108 -23.42388481 23.75167643 -26.6953125 22.81274414 C-24.34235879 19.83148623 -22.10840642 17.12809914 -19.1953125 14.68774414 C-16.60448519 12.5044627 -14.12091326 10.26992924 -11.71875 7.88305664 C-10.93854492 7.123396 -10.93854492 7.123396 -10.14257812 6.34838867 C-9.10962208 5.33949217 -8.08950567 4.31724775 -7.08398438 3.28100586 C-4.66950108 0.95460111 -3.42813142 -0.23816819 0 0 Z " fill="#FAFAFA" transform="translate(1926.6953125,1245.187255859375)"/>
<path d="M0 0 C3.9259928 1.61713513 6.71477299 4.30880964 9.75 7.1875 C10.31291748 7.71432373 10.87583496 8.24114746 11.45581055 8.78393555 C12.67279906 9.92391838 13.88781822 11.06600648 15.10107422 12.20996094 C17.01240402 14.01169275 18.92921507 15.80740652 20.84765625 17.6015625 C24.2177546 20.75468019 27.58322495 23.91268706 30.94726562 27.07226562 C34.31750805 30.23727921 37.68982538 33.40007856 41.0625 36.5625 C42.05600464 37.49412964 42.05600464 37.49412964 43.06958008 38.44458008 C48.1578161 43.21429588 53.25538149 47.97393755 58.35571289 52.73071289 C63.5854915 57.60960084 68.80330299 62.50116432 74.01953125 67.39453125 C78.50683431 71.6030116 83.00128214 75.80372692 87.5 80 C88.10215332 80.56235352 88.70430664 81.12470703 89.32470703 81.70410156 C92.69854729 84.85492982 96.0772361 88.00038682 99.4609375 91.140625 C100.93235757 92.51034587 102.40371327 93.8801359 103.875 95.25 C104.57173828 95.89453125 105.26847656 96.5390625 105.98632812 97.203125 C106.62763672 97.80125 107.26894531 98.399375 107.9296875 99.015625 C108.49929199 99.54446289 109.06889648 100.07330078 109.65576172 100.61816406 C111 102 111 102 112 104 C106.53889322 104.85975051 101.92938114 105.26528256 97.16992188 102.14404297 C94.37598546 99.52125828 91.80031343 96.79757579 89.25 93.9375 C87.4865107 92.04878489 85.72092041 90.16202905 83.953125 88.27734375 C83.11007813 87.36388184 82.26703125 86.45041992 81.3984375 85.50927734 C78.74333523 82.73147389 75.94310521 80.24889641 73.01464844 77.76782227 C68.11069487 73.46468026 63.64044934 68.67480648 59.06640625 64.02734375 C54.8453859 59.7652762 50.56031609 55.69341441 46.00976562 51.78710938 C41.3565815 47.64943836 37.07451638 43.10991768 32.7109375 38.671875 C29.25158573 35.17685981 25.78845087 31.75706085 22.0546875 28.5546875 C17.14979427 24.3404188 12.65968808 19.73010249 8.125 15.125 C6.4424115 13.41699476 4.75762867 11.71114749 3.0703125 10.0078125 C1.96840576 8.88850342 1.96840576 8.88850342 0.84423828 7.74658203 C-0.89194424 5.93306123 -0.89194424 5.93306123 -3 5 C-1.125 1.125 -1.125 1.125 0 0 Z " fill="#F6F6F6" transform="translate(2157,3179)"/>
<path d="M0 0 C8.26638895 1.42523947 16.09253664 4.27041449 24 7 C24.57890482 15.10466749 22.6450612 22.32255415 20.52587891 30.0625 C20.0437828 31.83869068 19.58886875 33.62220113 19.13671875 35.40625 C17.25331858 42.74668142 17.25331858 42.74668142 15 45 C7.60812587 39.82119457 0.30170304 34.55628733 -6.8125 29 C-7.41658691 28.53166748 -8.02067383 28.06333496 -8.64306641 27.58081055 C-12.8780677 24.2438646 -12.8780677 24.2438646 -14 22 C-12.93603516 19.86108398 -12.93603516 19.86108398 -11.2890625 17.24609375 C-10.70382813 16.30958984 -10.11859375 15.37308594 -9.515625 14.40820312 C-8.89171875 13.42787109 -8.2678125 12.44753906 -7.625 11.4375 C-6.70074219 9.96120117 -6.70074219 9.96120117 -5.7578125 8.45507812 C-1.19397901 1.19397901 -1.19397901 1.19397901 0 0 Z " fill="#FBFBFB" transform="translate(2610,3552)"/>
<path d="M0 0 C0.99 0.33 1.98 0.66 3 1 C3.6875 3.0625 3.6875 3.0625 4 5 C3.46375 5.42667969 2.9275 5.85335937 2.375 6.29296875 C-5.08169033 12.24115101 -12.48257584 18.25690679 -19.88134766 24.27685547 C-21.98646524 25.98899189 -24.09263866 27.69981969 -26.19921875 29.41015625 C-31.97319906 34.09819197 -37.74635822 38.78700195 -43.5 43.5 C-44.79744141 44.55960938 -44.79744141 44.55960938 -46.12109375 45.640625 C-48.28606249 47.41490061 -50.44351571 49.19705254 -52.59765625 50.984375 C-67.57980283 63.36158366 -82.98867698 74.57309931 -100 84 C-100.72203613 84.40814941 -101.44407227 84.81629883 -102.18798828 85.23681641 C-115.59911245 92.78959849 -129.58331524 98.64021169 -144 104 C-144.85819336 104.32500488 -145.71638672 104.65000977 -146.60058594 104.98486328 C-147.38981445 105.26958496 -148.17904297 105.55430664 -148.9921875 105.84765625 C-150.01481689 106.22096069 -150.01481689 106.22096069 -151.05810547 106.60180664 C-153.34323181 107.07038108 -154.80379929 106.71807121 -157 106 C-156.38817871 105.75991211 -155.77635742 105.51982422 -155.14599609 105.27246094 C-124.23548256 93.03716923 -98.11584401 76.36526836 -72 56 C-71.0102417 55.22825439 -71.0102417 55.22825439 -70.00048828 54.44091797 C-67.16173009 52.22277898 -64.33045444 49.99538932 -61.50390625 47.76171875 C-57.43573594 44.54914173 -53.3431277 41.36818039 -49.25 38.1875 C-48.11268433 37.30360596 -48.11268433 37.30360596 -46.95239258 36.40185547 C-45.40648557 35.20058989 -43.8605053 33.99941858 -42.31445312 32.79833984 C-38.54184364 29.86700636 -34.77101831 26.93337994 -31 24 C-29.90196045 23.14607666 -29.90196045 23.14607666 -28.78173828 22.27490234 C-24.85624375 19.22212245 -20.93152245 16.16835459 -17.0078125 13.11328125 C-15.78191406 12.15905273 -15.78191406 12.15905273 -14.53125 11.18554688 C-12.96592348 9.96708248 -11.40080794 8.74834697 -9.8359375 7.52929688 C-9.12953125 6.97951172 -8.423125 6.42972656 -7.6953125 5.86328125 C-7.07672363 5.38157471 -6.45813477 4.89986816 -5.82080078 4.40356445 C-4.91950439 3.70880005 -4.91950439 3.70880005 -4 3 C-3.32565918 2.42531982 -2.65131836 1.85063965 -1.95654297 1.25854492 C-1.31088379 0.8432251 -0.66522461 0.42790527 0 0 Z " fill="#F4F4F4" transform="translate(2047,3668)"/>
<path d="M0 0 C0.33 0 0.66 0 1 0 C3.022847 10.27204577 4.75241018 20.55968896 6.24609375 30.921875 C6.70817942 34.11008541 7.21553393 37.28243918 7.78515625 40.453125 C9.7458202 51.69728203 10.55995897 62.92991353 11.1875 74.3125 C11.23029083 75.0758667 11.27308167 75.8392334 11.31716919 76.62573242 C11.87273911 86.76028656 12.10902002 96.84995688 12 107 C10.0173782 104.0260673 8.92420614 101.40612398 7.6796875 98.06640625 C7.23012695 96.86927002 6.78056641 95.67213379 6.31738281 94.4387207 C5.83623727 93.1467779 5.35545018 91.85470156 4.875 90.5625 C0.84435093 79.70398781 0.84435093 79.70398781 -3.5390625 68.984375 C-4.10343018 67.65684204 -4.10343018 67.65684204 -4.67919922 66.30249023 C-5.36823143 64.70024684 -6.07432439 63.10517757 -6.80126953 61.51977539 C-10.58999162 52.63679825 -7.8264648 43.3740256 -6.15234375 34.1796875 C-5.88811363 32.70267868 -5.88811363 32.70267868 -5.61854553 31.1958313 C-5.06177199 28.08823293 -4.49972984 24.98161534 -3.9375 21.875 C-3.55629013 19.75266709 -3.17542748 17.63027179 -2.79492188 15.5078125 C-1.86729131 10.33781401 -0.93534738 5.16860763 0 0 Z " fill="#F7F7F7" transform="translate(1329,2108)"/>
<path d="M0 0 C2.43675438 0.89574956 4.12795657 2.06499496 6.18554688 3.6472168 C6.93513672 4.22149414 7.68472656 4.79577148 8.45703125 5.38745117 C9.6162207 6.29140625 9.6162207 6.29140625 10.79882812 7.21362305 C11.58322266 7.81239258 12.36761719 8.41116211 13.17578125 9.02807617 C18.97547529 13.50441738 18.97547529 13.50441738 20.11132812 15.77612305 C18.92361569 18.27978423 17.67950939 20.63067039 16.29882812 23.02612305 C15.89736572 23.7325293 15.49590332 24.43893555 15.08227539 25.16674805 C10.90049929 32.38198276 6.10373767 39.10568023 1.11132812 45.77612305 C-1.94040315 44.45730881 -3.57783274 43.25015952 -5.43945312 40.50268555 C-5.88764404 39.8478418 -6.33583496 39.19299805 -6.79760742 38.51831055 C-7.26078369 37.81963867 -7.72395996 37.1209668 -8.20117188 36.40112305 C-8.68175049 35.68956055 -9.1623291 34.97799805 -9.6574707 34.24487305 C-13.67312837 28.24055356 -17.38319121 22.0931667 -20.88867188 15.77612305 C-18.66039294 13.85841614 -16.43108283 11.94193066 -14.20117188 10.02612305 C-13.57533203 9.48729492 -12.94949219 8.9484668 -12.3046875 8.39331055 C-11.0731806 7.33589101 -9.83772662 6.283049 -8.59814453 5.23510742 C-7.10222645 3.95838556 -5.63894989 2.64361885 -4.18164062 1.32299805 C-1.88867188 -0.22387695 -1.88867188 -0.22387695 0 0 Z " fill="#FBFBFB" transform="translate(2105.888671875,3645.223876953125)"/>
<path d="M0 0 C3.39258005 -0.45152125 5.4239895 0.16255219 8.12182617 2.18725586 C10.74785708 4.64840894 13.20011223 7.20659375 15.63769531 9.85424805 C17.32100756 11.62528579 19.00582648 13.39489311 20.69238281 15.1628418 C21.4269873 15.95360107 22.1615918 16.74436035 22.91845703 17.55908203 C24.63504332 19.48611654 24.63504332 19.48611654 26.76269531 20.41674805 C26.76269531 21.07674805 26.76269531 21.73674805 26.76269531 22.41674805 C25.79332031 22.6590918 24.82394531 22.90143555 23.82519531 23.15112305 C23.18493408 23.31136963 22.54467285 23.47161621 21.88500977 23.63671875 C20.45680445 23.99340042 19.02824864 24.34868129 17.59936523 24.70263672 C13.8280991 25.63895392 10.06546385 26.59713976 6.31347656 27.6081543 C5.60255859 27.79603516 4.89164063 27.98391602 4.15917969 28.17749023 C2.79749342 28.53801167 1.43796477 28.90681131 0.08105469 29.28491211 C-3.71032141 30.27677366 -6.57364264 30.9512039 -10.23730469 29.41674805 C-12.35783562 27.31376634 -14.18956888 25.29101491 -16.04980469 22.97924805 C-16.83049316 22.03831299 -16.83049316 22.03831299 -17.62695312 21.07836914 C-19.17760388 19.20199563 -20.70985793 17.31203511 -22.23730469 15.41674805 C-22.89641846 14.60488037 -22.89641846 14.60488037 -23.56884766 13.77661133 C-25.815187 11.00824167 -28.0387201 8.2231766 -30.23730469 5.41674805 C-27.03957258 3.28492664 -25.49782207 3.00465077 -21.75683594 2.56518555 C-20.67466797 2.4362793 -19.5925 2.30737305 -18.47753906 2.17456055 C-16.78081055 1.98506836 -16.78081055 1.98506836 -15.04980469 1.79174805 C-13.93798828 1.65768555 -12.82617188 1.52362305 -11.68066406 1.38549805 C-9.50791334 1.1333612 -7.33223708 0.90510937 -5.15429688 0.70263672 C-2.34004968 0.46920545 -2.34004968 0.46920545 0 0 Z " fill="#FBFBFB" transform="translate(1818.2373046875,2873.583251953125)"/>
<path d="M0 0 C5.29875692 1.05181867 10.59352752 2.12021957 15.8828125 3.21875 C27.54136009 5.62326176 39.12936332 7.9599092 51 9 C51.81621323 9.08009811 52.63242645 9.16019623 53.47337341 9.24272156 C66.56646646 10.36379096 79.70476809 10.23163683 92.8359375 10.31640625 C95.52878516 10.33651327 98.2216217 10.35796308 100.91445923 10.37937927 C107.2428035 10.42894921 113.5711712 10.47401777 119.89956057 10.51740164 C127.11380196 10.56708264 134.32800174 10.62188453 141.54220271 10.67708123 C156.36142893 10.79035197 171.18069661 10.89730678 186 11 C186.042721 12.66611905 186.04063832 14.33382885 186 16 C184.25365681 17.74634319 181.82324372 17.17022879 179.44677734 17.20532227 C178.25004395 17.22525742 177.05331055 17.24519257 175.8203125 17.26573181 C173.84804687 17.29081566 173.84804687 17.29081566 171.8359375 17.31640625 C170.46304781 17.33712268 169.09016371 17.35821215 167.71728516 17.37965393 C164.03240554 17.43569292 160.34746588 17.48508153 156.66246796 17.53263092 C154.38215799 17.56240653 152.10187548 17.59377672 149.82159424 17.62567139 C132.00686213 17.87403192 114.1916374 18.09707279 96.375 18.125 C95.25360626 18.12888229 95.25360626 18.12888229 94.10955811 18.13284302 C78.98031133 18.1749451 64.31023243 17.43758477 49.45507812 14.484375 C46.74935502 13.95054896 44.03886653 13.44519741 41.328125 12.9375 C6.16696738 6.16696738 6.16696738 6.16696738 0 0 Z " fill="#F8F8F8" transform="translate(898,3303)"/>
<path d="M0 0 C0.33 0 0.66 0 1 0 C0.35510168 8.12571883 -0.98357753 16.06687623 -2.46826172 24.07373047 C-3.09558068 27.52600091 -3.68898668 30.98362275 -4.28515625 34.44140625 C-6.91567198 49.48373826 -10.10628896 63.95051138 -15.12548828 78.40917969 C-16.68428465 83.02725537 -18.05435903 87.70191193 -19.4375 92.375 C-19.82615234 93.67969238 -19.82615234 93.67969238 -20.22265625 95.01074219 C-20.81692955 97.00661886 -21.40876306 99.00322176 -22 101 C-22.33 101 -22.66 101 -23 101 C-23.28962213 95.29344264 -23.57421739 89.58666277 -23.85449219 83.87963867 C-23.95017248 81.94500238 -24.04714053 80.01042927 -24.14550781 78.07592773 C-24.42605027 72.54952765 -24.67959754 67.02313622 -24.89517212 61.49380493 C-24.99109321 59.21188826 -25.11603895 56.93331013 -25.24487305 54.65307617 C-25.55778954 46.12892929 -24.31082085 40.65956838 -19.8125 33.4375 C-19.01622192 32.07407471 -19.01622192 32.07407471 -18.20385742 30.68310547 C-17.07969109 28.76688675 -15.94113869 26.85904223 -14.7890625 24.95947266 C-12.93575599 21.89372737 -11.13529916 18.80141245 -9.34375 15.69921875 C-7.08334696 11.80391942 -4.81931015 7.91127311 -2.51953125 4.0390625 C-2.05651611 3.25740723 -1.59350098 2.47575195 -1.11645508 1.67041016 C-0.7480249 1.1191748 -0.37959473 0.56793945 0 0 Z " fill="#FAFAFA" transform="translate(1363,1866)"/>
<path d="M0 0 C1.08152344 0.103125 2.16304687 0.20625 3.27734375 0.3125 C4.27734375 3.3125 4.27734375 3.3125 3.40380859 5.49121094 C2.93668457 6.33458008 2.46956055 7.17794922 1.98828125 8.046875 C1.20445068 9.47833862 1.20445068 9.47833862 0.40478516 10.9387207 C-0.17352051 11.96956787 -0.75182617 13.00041504 -1.34765625 14.0625 C-2.23638428 15.67354614 -2.23638428 15.67354614 -3.14306641 17.31713867 C-4.99036592 20.65611176 -6.85339006 23.98578103 -8.72265625 27.3125 C-9.26857422 28.28461426 -9.81449219 29.25672852 -10.37695312 30.25830078 C-13.01877185 34.95332534 -15.67438319 39.64036021 -18.3359375 44.32421875 C-22.03027645 50.83732205 -25.65795812 57.38684021 -29.28515625 63.9375 C-35.66501137 75.45340656 -42.15202955 86.90446535 -48.72265625 98.3125 C-51.69459475 97.18798273 -54.05706312 96.08956209 -56.72265625 94.3125 C-56.13352072 90.33739967 -54.9022043 87.50552975 -52.87109375 84.05078125 C-52.27482178 83.02774902 -51.6785498 82.0047168 -51.06420898 80.95068359 C-50.09076538 79.30447021 -50.09076538 79.30447021 -49.09765625 77.625 C-48.4186065 76.4647916 -47.74031538 75.30413889 -47.06274414 74.14306641 C-45.653932 71.73022689 -44.24186995 69.31933365 -42.82763672 66.90966797 C-39.5717767 61.35489481 -36.37010347 55.76887762 -33.16015625 50.1875 C-27.07775702 39.64148807 -20.99472653 29.09564924 -14.81640625 18.60546875 C-12.93198961 15.40412777 -11.09230421 12.18845977 -9.31640625 8.92578125 C-8.7893811 7.98859253 -8.7893811 7.98859253 -8.25170898 7.0324707 C-7.37270024 5.46828364 -6.51704457 3.89103068 -5.6640625 2.3125 C-3.72265625 0.3125 -3.72265625 0.3125 0 0 Z " fill="#F8F8F8" transform="translate(936.72265625,2608.6875)"/>
<path d="M0 0 C1.32 0 2.64 0 4 0 C4.80010751 4.92137938 5.59963325 9.84285284 6.39868164 14.7644043 C6.66904004 16.42914211 6.93954162 18.09385668 7.21020508 19.75854492 C9.17340624 31.83387721 11.10294888 43.91410292 13 56 C13.21521805 57.37090286 13.21521805 57.37090286 13.43478394 58.76950073 C14.91332943 68.19011823 16.39021658 77.61099458 17.86328125 87.0324707 C19.50473259 97.5227907 21.15660143 108.01099936 22.85546875 118.4921875 C23.2724558 121.07859719 23.68905336 123.66506935 24.1055603 126.2515564 C24.36566799 127.85790502 24.62800807 129.46389398 24.89273071 131.06948853 C25.25692357 133.27854297 25.61356557 135.48870083 25.96875 137.69921875 C26.16919922 138.92471436 26.36964844 140.15020996 26.57617188 141.4128418 C27.03959264 145.33510058 27.07176256 149.05441825 27 153 C24.0280615 151.87548273 21.66559313 150.77706209 19 149 C18.3185091 146.58981895 18.3185091 146.58981895 17.87995911 143.49838257 C17.70755203 142.32921295 17.53514496 141.16004333 17.35751343 139.95544434 C17.18128448 138.66609985 17.00505554 137.37675537 16.82348633 136.04833984 C16.62712841 134.68156988 16.42961601 133.31496534 16.23103333 131.94851685 C15.69426674 128.23086368 15.17416182 124.51104871 14.65723634 120.79059172 C14.11357137 116.8959682 13.55573398 113.00337436 12.99967957 109.11050415 C12.06704548 102.56629046 11.1445889 96.0207066 10.22875977 89.47412109 C9.17144149 81.91658795 8.10115847 74.36098583 7.02313787 66.80637968 C5.8745817 58.75701416 4.73458839 50.70645411 3.59761214 42.65544558 C3.27022691 40.34085578 2.94136833 38.02647917 2.61222267 35.71213913 C2.09384088 32.06365671 1.58130065 28.41439758 1.07314873 24.76447678 C0.79770362 22.79504803 0.51689631 20.82637155 0.23590088 18.85772705 C-0.59336272 12.8583708 -1.32950507 7.05895803 -1 1 C-0.67 0.67 -0.34 0.34 0 0 Z " fill="#F5F5F5" transform="translate(1467,2996)"/>
<path d="M0 0 C1.66442364 0.34435857 3.33050211 0.68114942 5 1 C1.88202348 6.01587527 -1.78160521 10.49065016 -5.546875 15.03515625 C-7.21741824 17.05417268 -8.87450456 19.0786262 -10.515625 21.12109375 C-11.31484375 22.11238281 -12.1140625 23.10367188 -12.9375 24.125 C-13.66839844 25.03507812 -14.39929687 25.94515625 -15.15234375 26.8828125 C-17 29 -17 29 -19 30 C-23.18124257 29.40660937 -27.29947013 28.49266676 -31.43115234 27.62182617 C-33.48981319 27.18963858 -35.55118062 26.77284626 -37.61328125 26.35742188 C-38.91946285 26.08686284 -40.22545931 25.81540816 -41.53125 25.54296875 C-42.72298828 25.29571045 -43.91472656 25.04845215 -45.14257812 24.79370117 C-48 24 -48 24 -50 22 C-35.01425178 3.29539962 -25.14696289 -6.62490427 0 0 Z " fill="#FCFCFC" transform="translate(2386,2868)"/>
<path d="M0 0 C0.33 1.65 0.66 3.3 1 5 C-9.22787668 8.87221529 -19.48427023 12.66695671 -29.75 16.4375 C-30.40031189 16.67635925 -31.05062378 16.91521851 -31.72064209 17.16131592 C-40.68920474 20.45218747 -49.68189517 23.66447682 -58.70996094 26.78881836 C-62.51204909 28.10972595 -66.2772353 29.4659642 -70 31 C-78.19044387 34.37168449 -86.62062857 37.1410971 -95 40 C-96.05695068 40.36641602 -96.05695068 40.36641602 -97.13525391 40.74023438 C-123.7399271 49.90837157 -151.07558458 51.43159838 -179 51 C-179 50.67 -179 50.34 -179 50 C-178.08412109 49.89453857 -177.16824219 49.78907715 -176.22460938 49.68041992 C-172.74245108 49.2766946 -169.26096597 48.86784883 -165.77978516 48.45581055 C-164.28880505 48.28033538 -162.79760046 48.10675454 -161.30615234 47.93530273 C-146.83840502 46.26970454 -132.60852329 44.17160716 -118.6875 39.75 C-117.62756836 39.41919434 -116.56763672 39.08838867 -115.47558594 38.74755859 C-102.59448025 34.65749402 -89.85959869 30.12642614 -77.11157227 25.64282227 C-65.30290488 21.49016605 -53.46922521 17.44054233 -41.58203125 13.51855469 C-35.30265068 11.44355267 -29.03713091 9.33513113 -22.7890625 7.16796875 C-22.11187164 6.93319321 -21.43468079 6.69841766 -20.73696899 6.45652771 C-17.47540101 5.32451976 -14.21551292 4.1879077 -10.95751953 3.0456543 C-9.81138184 2.64644775 -8.66524414 2.24724121 -7.484375 1.8359375 C-5.96408691 1.30299072 -5.96408691 1.30299072 -4.41308594 0.75927734 C-2 0 -2 0 0 0 Z " fill="#F2F2F2" transform="translate(1537,3571)"/>
<path d="M0 0 C2 1 2 1 3 3.6953125 C3.68248502 6.03602283 4.36340711 8.37718928 5.04296875 10.71875 C5.7214646 13.04502149 6.48754335 15.34654829 7.3125 17.625 C9.35951598 27.67398752 5.87457183 39.17798344 4.09863281 49.15063477 C3.62803174 51.79546131 3.16502761 54.44153263 2.703125 57.08789062 C1.00046666 66.7763091 -0.86852797 76.39529933 -3 86 C-7.29 86 -11.58 86 -16 86 C-15.3007681 76.12968308 -13.25190497 66.55930129 -11.3125 56.875 C-10.58626989 53.21398972 -9.86336365 49.55232594 -9.140625 45.890625 C-8.95959732 44.97556183 -8.77856964 44.06049866 -8.59205627 43.1177063 C-6.5849033 32.94770272 -4.68954419 22.75729774 -2.81567383 12.56201172 C-2.47572388 10.72533936 -2.47572388 10.72533936 -2.12890625 8.8515625 C-1.93369385 7.78760254 -1.73848145 6.72364258 -1.53735352 5.62744141 C-1 3 -1 3 0 0 Z " fill="#F8F8F8" transform="translate(1114,3215)"/>
<path d="M0 0 C2.31 0 4.62 0 7 0 C7.18350892 5.81985435 6.57677941 10.84883471 5.25 16.5 C3.58908323 23.96854193 2.17783905 31.45024094 0.9375 39 C0.68552856 40.5324939 0.68552856 40.5324939 0.4284668 42.09594727 C-0.31839583 46.6842355 -1.04677825 51.27472442 -1.7421875 55.87109375 C-3.27800738 65.98584046 -5.13199839 76.00228335 -7.19897461 86.02319336 C-8.46808292 92.19811535 -9.58570789 98.37352975 -10.55053711 104.60375977 C-11 107 -11 107 -12 109 C-14.97 108.01 -17.94 107.02 -21 106 C-18.49933124 90.88082505 -15.63629774 75.84533806 -12.66937256 60.81219482 C-10.71398708 50.90159718 -8.79443303 40.98731699 -6.99609375 31.046875 C-6.8368895 30.16898819 -6.67768524 29.29110138 -6.51365662 28.38661194 C-5.75326076 24.18623553 -5.00063362 19.98465423 -4.25854492 15.78100586 C-3.9876526 14.27454352 -3.71658496 12.76811269 -3.4453125 11.26171875 C-3.26922707 10.24117401 -3.26922707 10.24117401 -3.08958435 9.20001221 C-2.4775041 5.83309969 -1.74251921 2.96172146 0 0 Z " fill="#F5F5F5" transform="translate(1165,2953)"/>
<path d="M0 0 C27.37757903 6.74091579 27.37757903 6.74091579 36 17 C37.33199181 18.21232067 38.68658498 19.40026875 40.0625 20.5625 C43.27442643 23.32362974 46.25612089 26.23355619 49.22265625 29.25390625 C51.06593574 31.06477643 52.97822799 32.75321354 54.9375 34.4375 C59.17675967 38.08774316 63.08012802 42.01013031 67 46 C65.02 49.63 63.04 53.26 61 57 C57 57 57 57 54.01074219 54.44897461 C52.84595782 53.27677521 51.69200926 52.09374695 50.546875 50.90234375 C49.92782288 50.27526016 49.30877075 49.64817657 48.67095947 49.00209045 C46.68766445 46.98977244 44.71841045 44.96437094 42.75 42.9375 C40.16565728 40.29664274 37.57591938 37.66113253 34.984375 35.02734375 C34.36054932 34.39183594 33.73672363 33.75632812 33.09399414 33.1015625 C29.49974495 29.45766765 25.83477892 25.98886415 21.92285156 22.68481445 C17.58142609 18.88083056 13.57083918 14.71358993 9.5 10.625 C8.5821875 9.71105469 7.664375 8.79710938 6.71875 7.85546875 C5.8525 6.98792969 4.98625 6.12039062 4.09375 5.2265625 C2.91329102 4.04441162 2.91329102 4.04441162 1.70898438 2.83837891 C0 1 0 1 0 0 Z " fill="#F9F9F9" transform="translate(2501,3516)"/>
<path d="M0 0 C14 28.82837529 14 28.82837529 14 34 C10.34410716 35.14670116 6.89681759 35.12931293 3.08203125 35.1328125 C2.09525642 35.13424759 2.09525642 35.13424759 1.08854675 35.13571167 C-0.29570614 35.13638993 -1.67996227 35.13456041 -3.06420898 35.13037109 C-5.19066414 35.124992 -7.31691054 35.13034112 -9.44335938 35.13671875 C-10.78906297 35.13605841 -12.13476643 35.13477816 -13.48046875 35.1328125 C-14.70660889 35.13168457 -15.93274902 35.13055664 -17.19604492 35.12939453 C-20 35 -20 35 -21 34 C-21.2285321 32.0769127 -21.39518857 30.14639772 -21.53515625 28.21484375 C-21.66567383 26.46010742 -21.66567383 26.46010742 -21.79882812 24.66992188 C-21.88583984 23.43822266 -21.97285156 22.20652344 -22.0625 20.9375 C-22.19881836 19.08415039 -22.19881836 19.08415039 -22.33789062 17.19335938 C-22.56267598 14.12918006 -22.7831856 11.06475198 -23 8 C-17.91943659 5.67932791 -12.87709447 3.49158363 -7.5625 1.75 C-6.04849609 1.24726563 -6.04849609 1.24726563 -4.50390625 0.734375 C-2 0 -2 0 0 0 Z " fill="#F6F6F6" transform="translate(3409,2931)"/>
<path d="M0 0 C2.78170507 1.27764361 4.89330001 2.62420882 7.109375 4.73046875 C7.98142578 5.55224609 7.98142578 5.55224609 8.87109375 6.390625 C9.49113281 6.98359375 10.11117187 7.5765625 10.75 8.1875 C12.09895195 9.46224634 13.4479105 10.73698569 14.796875 12.01171875 C15.49103516 12.67091309 16.18519531 13.33010742 16.90039062 14.00927734 C20.25285107 17.18787763 23.62748646 20.34270934 27 23.5 C28.34381104 24.76035159 29.6875611 26.0207682 31.03125 27.28125 C35.45961088 31.43283833 39.89733624 35.57435057 44.33789062 39.71289062 C47.64946261 42.80066049 50.95409374 45.89550753 54.25 49 C54.95962891 49.66773437 55.66925781 50.33546875 56.40039062 51.0234375 C57.75448422 52.29817491 59.10743594 53.57412689 60.45898438 54.8515625 C64.54117896 58.69263264 68.71922519 62.38120067 73 66 C70.15063897 69.00765886 67.76488042 71.27845212 64 73 C54.67418846 64.32936505 45.44937155 55.58587315 36.53125 46.49414062 C33.49231807 43.41344748 30.4167074 40.45242556 27.1328125 37.6328125 C22.31836527 33.48105908 17.89477393 28.96591956 13.4375 24.4375 C8.13217275 19.04789432 2.82718539 13.82600454 -3 9 C-2.44271087 5.65626525 -1.64826111 2.96687001 0 0 Z " fill="#F8F8F8" transform="translate(2311,3323)"/>
<path d="M0 0 C1.65 0 3.3 0 5 0 C4.71437308 2.6466069 4.42163649 5.29212237 4.125 7.9375 C4.04636719 8.67291016 3.96773437 9.40832031 3.88671875 10.16601562 C3.80292969 10.90400391 3.71914062 11.64199219 3.6328125 12.40234375 C3.52283936 13.39995728 3.52283936 13.39995728 3.41064453 14.41772461 C3.05797039 16.63546208 2.61154903 18.7789216 2.11206055 20.96655273 C0.74874311 26.98824437 -0.33062626 33.05759269 -1.42578125 39.1328125 C-1.6538446 40.3916777 -1.88190796 41.65054291 -2.11688232 42.94755554 C-2.726331 46.31428368 -3.3329949 49.68150766 -3.93880081 53.04889297 C-4.31329557 55.12941984 -4.68863863 57.20979215 -5.06417847 59.29013062 C-8.07143678 75.957344 -11.05230334 92.62539272 -13.60473633 109.36962891 C-14.47176422 115.02012566 -15.56618437 120.46781007 -17 126 C-17.20824455 127.45297904 -17.38432717 128.91173868 -17.5 130.375 C-17.98463775 135.33190887 -18.97303033 140.13112943 -20 145 C-20.37697244 146.87460443 -20.75203495 148.74959416 -21.125 150.625 C-21.41666667 152.08333333 -21.70833333 153.54166667 -22 155 C-24 153 -26 151 -28 149 C-27.84275584 141.21184325 -26.28130463 133.54777963 -24.75 125.9375 C-24.29676395 123.63283434 -23.84364215 121.3281462 -23.390625 119.0234375 C-23.15923828 117.85651367 -22.92785156 116.68958984 -22.68945312 115.48730469 C-21.60774314 110.01593589 -20.55308102 104.53943922 -19.5 99.0625 C-19.29407227 97.99523682 -19.08814453 96.92797363 -18.87597656 95.82836914 C-17.59220594 89.1546645 -16.34782219 82.47462789 -15.12475586 75.78955078 C-13.1633156 65.06946348 -11.07468507 54.39066567 -8.80908203 43.73071289 C-7.18408798 36.03286559 -5.760893 28.30890106 -4.38745117 20.56274414 C-3.14981274 13.64818139 -1.69809273 6.81809958 0 0 Z " fill="#F1F1F1" transform="translate(1204,2747)"/>
<path d="M0 0 C1.65 0.33 3.3 0.66 5 1 C0.33189841 10.70690537 -4.703917 20.12984138 -10.08959961 29.45727539 C-14.23513014 36.64111328 -18.29199956 43.8704828 -22.3125 51.125 C-22.9430127 52.26251709 -23.57352539 53.40003418 -24.22314453 54.57202148 C-25.50942007 56.89354821 -26.79538885 59.21524494 -28.08105469 61.53710938 C-29.95982242 64.92749634 -31.84237191 68.31574918 -33.7265625 71.703125 C-41.44360429 85.5767453 -41.44360429 85.5767453 -49.11328125 99.4765625 C-56.58866359 113.07556099 -64.13562228 126.62056079 -72 140 C-74.7358994 135.8961509 -75.36486208 133.95234448 -75 129 C-73.84521484 126.31298828 -73.84521484 126.31298828 -72.2109375 123.5703125 C-71.60636719 122.54035156 -71.00179687 121.51039063 -70.37890625 120.44921875 C-69.71761719 119.35222656 -69.05632813 118.25523437 -68.375 117.125 C-67.68751387 115.96300078 -67.00133566 114.80022684 -66.31640625 113.63671875 C-64.90709131 111.24647529 -63.49111833 108.86038691 -62.06933594 106.47753906 C-59.00733646 101.34108728 -56.00714675 96.16868194 -53 91 C-51.84256528 89.01816062 -50.68501226 87.03639032 -49.52734375 85.0546875 C-45.85319196 78.75584875 -42.20488644 72.44224922 -38.5625 66.125 C-37.94133301 65.04766602 -37.32016602 63.97033203 -36.68017578 62.86035156 C-33.50943029 57.35892355 -30.34170789 51.85576481 -27.17578125 46.3515625 C-18.24128098 30.82796835 -9.23869589 15.34509419 0 0 Z " fill="#F3F3F3" transform="translate(1038,2427)"/>
<path d="M0 0 C1.60039041 2.90003353 2.40100094 5.42772123 2.9296875 8.69140625 C3.08308594 9.62210938 3.23648437 10.5528125 3.39453125 11.51171875 C3.55308594 12.51847656 3.71164062 13.52523437 3.875 14.5625 C4.04644531 15.61953125 4.21789063 16.6765625 4.39453125 17.765625 C5.84517179 26.79771536 7.1766875 35.84723703 8.49511719 44.89941406 C9.61620169 52.55318348 10.83523846 60.18542881 12.125 67.8125 C16.12669418 91.54316333 16.12669418 91.54316333 16 100 C12.7 100 9.4 100 6 100 C4.30088345 88.22201866 2.60554482 76.44350032 0.91503143 64.66428089 C0.12994632 59.19478154 -0.65644048 53.72547593 -1.44580078 48.2565918 C-2.20748033 42.97914839 -2.96574228 37.70122425 -3.72163391 32.42294884 C-4.01066848 30.40894752 -4.30093553 28.39512269 -4.592453 26.38147926 C-5.00044323 23.56182386 -5.40405307 20.7415737 -5.80664062 17.92114258 C-5.92820023 17.08820175 -6.04975983 16.25526093 -6.17500305 15.39707947 C-6.71766228 11.56436602 -7.1491147 7.88341891 -7 4 C-4.69 2.68 -2.38 1.36 0 0 Z " fill="#F4F4F4" transform="translate(1502,3201)"/>
<path d="M0 0 C3.64496082 3.56377085 6.25053144 7.63852522 9.0625 11.875 C9.60455078 12.67808594 10.14660156 13.48117188 10.70507812 14.30859375 C11.22650391 15.09105469 11.74792969 15.87351562 12.28515625 16.6796875 C12.75832275 17.38851074 13.23148926 18.09733398 13.71899414 18.82763672 C16.46616831 23.48636661 17.43488011 27.88201957 18.21875 33.21484375 C18.32215698 33.90703506 18.42556396 34.59922638 18.53210449 35.31239319 C18.86047115 37.51995859 19.18034066 39.72865881 19.5 41.9375 C19.71429057 43.38614964 19.9291298 44.83471824 20.14453125 46.28320312 C20.67140308 49.83612172 21.18705573 53.39057171 21.70019531 56.94549561 C21.993742 58.95711509 22.29638086 60.96716701 22.6015625 62.97705078 C22.78460937 64.20278809 22.96765625 65.42852539 23.15625 66.69140625 C23.31931641 67.76720947 23.48238281 68.8430127 23.65039062 69.95141602 C23.9996304 72.99677712 24.06197598 75.93764048 24 79 C22.39850114 79.67305018 20.79368971 80.33822227 19.1875 81 C18.29417969 81.37125 17.40085937 81.7425 16.48046875 82.125 C14 83 14 83 11 83 C9.71032535 73.80277642 8.42352678 64.6051562 7.14029789 55.40703106 C6.54421895 51.13500942 5.94718712 46.86312566 5.34790039 42.59155273 C4.76852053 38.46160713 4.19174457 34.33130518 3.61669731 30.20075417 C3.39795162 28.63275267 3.17830167 27.06487702 2.95768929 25.49713707 C1.76450817 17.01353131 0.65182953 8.54636108 0 0 Z " fill="#F9F9F9" transform="translate(1533,3472)"/>
<path d="M0 0 C1.66772461 0.80727539 1.66772461 0.80727539 3.36914062 1.63085938 C5.09487305 2.47680664 5.09487305 2.47680664 6.85546875 3.33984375 C8.02529297 3.90767578 9.19511719 4.47550781 10.40039062 5.06054688 C13.28377882 6.46104971 16.16448026 7.86680509 19.04296875 9.27734375 C15.02479315 13.49239974 10.56628047 16.3697977 5.66796875 19.46484375 C4.83007812 20.01076172 3.9921875 20.55667969 3.12890625 21.11914062 C2.3090625 21.63927734 1.48921875 22.15941406 0.64453125 22.6953125 C-0.09458496 23.16735107 -0.83370117 23.63938965 -1.59521484 24.12573242 C-4.52328552 25.55344685 -6.68865206 26.14471685 -9.95703125 26.27734375 C-13.02490234 24.92211914 -13.02490234 24.92211914 -16.23046875 22.875 C-16.79907623 22.51844833 -17.36768372 22.16189667 -17.95352173 21.79454041 C-19.756872 20.65864297 -21.54415909 19.49991531 -23.33203125 18.33984375 C-24.55630426 17.56289504 -25.78155612 16.78748645 -27.0078125 16.01367188 C-30.00242567 14.11926265 -32.98309654 12.20409604 -35.95703125 10.27734375 C-32.18149678 6.067182 -27.06108818 4.03289235 -22.08203125 1.52734375 C-21.08816406 1.00785156 -20.09429688 0.48835938 -19.0703125 -0.046875 C-18.10738281 -0.53285156 -17.14445312 -1.01882812 -16.15234375 -1.51953125 C-15.27594238 -1.96651367 -14.39954102 -2.41349609 -13.49658203 -2.87402344 C-8.45320306 -4.55935177 -4.5622478 -2.22263354 0 0 Z " fill="#FAFAFA" transform="translate(2096.95703125,2920.72265625)"/>
<path d="M0 0 C2.20559152 1.65133666 4.21248478 3.2896925 6.25 5.125 C7.39312646 6.12790555 8.53766489 7.12920395 9.68359375 8.12890625 C10.24288574 8.61891113 10.80217773 9.10891602 11.37841797 9.61376953 C14.30066159 12.11188746 17.39091031 14.38578513 20.48828125 16.66015625 C20.98714844 17.10230469 21.48601563 17.54445313 22 18 C22 18.66 22 19.32 22 20 C18.24898024 21.14817009 14.49531242 22.28718484 10.73901367 23.41796875 C8.83692935 23.9926195 6.9370007 24.57438985 5.03710938 25.15625 C3.83505859 25.5171875 2.63300781 25.878125 1.39453125 26.25 C0.28956299 26.58515625 -0.81540527 26.9203125 -1.95385742 27.265625 C-6.17215093 28.28258636 -8.65695657 28.70263666 -12.57128906 26.65478516 C-13.46041992 26.03909668 -14.34955078 25.4234082 -15.265625 24.7890625 C-16.23757812 24.12132812 -17.20953125 23.45359375 -18.2109375 22.765625 C-19.21382812 22.05921875 -20.21671875 21.3528125 -21.25 20.625 C-22.26835937 19.92632813 -23.28671875 19.22765625 -24.3359375 18.5078125 C-31.85148278 13.29703444 -31.85148278 13.29703444 -33 11 C-17.27734375 4.26171875 -17.27734375 4.26171875 -14.52685547 3.09521484 C-12.98215614 2.42569589 -11.4467803 1.73337395 -9.93017578 1.00244141 C-6.18774775 -0.78000534 -3.90696251 -1.60508969 0 0 Z " fill="#FAFAFA" transform="translate(2211,1242)"/>
<path d="M0 0 C1.32 0.66 2.64 1.32 4 2 C2.33700586 6.86473573 -0.35402153 10.90059874 -3.125 15.1875 C-8.14082242 23.03626882 -13.06527993 30.93629864 -17.9375 38.875 C-18.61522461 39.97779297 -19.29294922 41.08058594 -19.99121094 42.21679688 C-22.60234924 46.46597846 -25.21241422 50.71581465 -27.81982422 54.96728516 C-46.45238375 85.33087487 -66.28535704 115.79563767 -94.625 138.0625 C-96.90466546 139.92222708 -98.95926497 141.88368219 -101 144 C-101.66 143.67 -102.32 143.34 -103 143 C-102.53215088 142.54262451 -102.06430176 142.08524902 -101.58227539 141.61401367 C-92.88931008 133.09000992 -84.40782406 124.68008215 -77 115 C-76.05861755 113.8205551 -75.11580257 112.64225274 -74.171875 111.46484375 C-65.02063049 99.92006405 -57.05408757 87.6321616 -49.09472656 75.25292969 C-45.91866575 70.32078118 -42.70866613 65.41097047 -39.5 60.5 C-38.27330453 58.61857627 -37.04674332 56.737065 -35.8203125 54.85546875 C-31.67797892 48.50381864 -27.52642208 42.15821202 -23.375 35.8125 C-17.54590244 26.90212807 -11.72989189 17.98343059 -5.93310547 9.05200195 C-5.44084473 8.29363037 -4.94858398 7.53525879 -4.44140625 6.75390625 C-4.01545166 6.09720947 -3.58949707 5.4405127 -3.15063477 4.76391602 C-2.11046779 3.16934644 -1.05605936 1.58408904 0 0 Z " fill="#F1F1F1" transform="translate(2564,3592)"/>
<path d="M0 0 C1.80215085 1.34277906 3.60066947 2.69056461 5.38671875 4.0546875 C7.27331407 5.4590589 9.19809832 6.81262321 11.14453125 8.1328125 C18.93146368 13.52816686 23.63694962 19.10585305 27.83496094 27.65576172 C29.23479477 30.47244329 30.69763899 33.25256813 32.1640625 36.03515625 C37.56151066 46.29809253 42.83925743 56.6160025 48 67 C40.375 74 40.375 74 37 74 C36.71914551 73.4330542 36.43829102 72.8661084 36.14892578 72.28198242 C30.86153113 61.6224661 25.51715497 51.00488641 19.92797852 40.50024414 C15.59515047 32.3144926 11.48301529 24.01933662 7.37744141 15.71777344 C6.8519873 14.65848633 6.3265332 13.59919922 5.78515625 12.5078125 C5.31988525 11.56566895 4.85461426 10.62352539 4.37524414 9.65283203 C3.01614702 6.95160295 3.01614702 6.95160295 1.32592773 4.28076172 C0 2 0 2 0 0 Z " fill="#F9F9F9" transform="translate(2014,3575)"/>
<path d="M0 0 C15.84 0.495 15.84 0.495 32 1 C29.06101524 6.87796952 25.09870277 11.9812991 21.22802734 17.26855469 C20.16447896 18.76809447 19.17796221 20.32170782 18.20703125 21.8828125 C16.00499674 25.26470254 14.44746297 27.55671447 10.5 28.765625 C7.29388342 29.09669139 4.22304695 29.08500344 1 29 C-0.51825538 29.00537673 -2.03649819 29.01609967 -3.5546875 29.03125 C-7.7041979 29.06524827 -11.85061687 29.04424698 -16 29 C-14.57885846 25.17877607 -12.80810468 21.77377795 -10.7421875 18.26171875 C-10.17870605 17.29967529 -9.61522461 16.33763184 -9.03466797 15.34643555 C-8.32197754 14.13898682 -7.60928711 12.93153809 -6.875 11.6875 C-4.60625 7.830625 -2.3375 3.97375 0 0 Z " fill="#F9F9F9" transform="translate(1667,1341)"/>
<path d="M0 0 C1.43969458 3.0197921 2.87635087 6.04102035 4.3125 9.0625 C4.91868164 10.33383789 4.91868164 10.33383789 5.53710938 11.63085938 C6.33204743 13.30475333 7.12136661 14.98132834 7.90478516 16.66064453 C8.58661605 18.11702073 9.28190791 19.56726551 9.99755859 21.00732422 C11.80708737 24.80661372 12.35601864 26.9979763 11 31 C9.11401367 32.60913086 9.11401367 32.60913086 6.66796875 33.96484375 C5.78689453 34.45404297 4.90582031 34.94324219 3.99804688 35.44726562 C2.60682617 36.18493164 2.60682617 36.18493164 1.1875 36.9375 C0.27162109 37.45634766 -0.64425781 37.97519531 -1.58789062 38.50976562 C-6.72146321 41.29528025 -6.72146321 41.29528025 -9 42 C-12.05848612 41.00885347 -13.88938002 39.31829606 -16.015625 36.9609375 C-16.54414063 36.38085938 -17.07265625 35.80078125 -17.6171875 35.203125 C-18.15601562 34.59984375 -18.69484375 33.9965625 -19.25 33.375 C-19.80429688 32.76398437 -20.35859375 32.15296875 -20.9296875 31.5234375 C-22.2917841 30.02043435 -23.64661601 28.5108532 -25 27 C-22.57313563 22.60182601 -19.58814027 18.96078365 -16.3125 15.1875 C-15.78156738 14.57310059 -15.25063477 13.95870117 -14.70361328 13.32568359 C-3.09850543 0 -3.09850543 0 0 0 Z " fill="#FBFBFB" transform="translate(2332,510)"/>
<path d="M0 0 C3.27629847 1.42382679 5.34482912 3.14447835 7.78515625 5.73828125 C8.82833008 6.84526367 8.82833008 6.84526367 9.89257812 7.97460938 C10.60865234 8.74611328 11.32472656 9.51761719 12.0625 10.3125 C12.78244141 11.07240234 13.50238281 11.83230469 14.24414062 12.61523438 C17.64739918 16.25232871 20.53108929 19.6484797 23 24 C15.21758655 27.2538539 7.40169132 30.33407153 -0.625 32.9375 C-1.61790039 33.27237427 -1.61790039 33.27237427 -2.63085938 33.61401367 C-9.41817435 35.75111476 -9.41817435 35.75111476 -13 34 C-14.71625095 31.55731223 -15.81192762 28.94238059 -16.9375 26.1875 C-17.26556641 25.46240234 -17.59363281 24.73730469 -17.93164062 23.99023438 C-20.14728513 18.78227858 -20.14728513 18.78227858 -19.5859375 15.80078125 C-17.24592583 13.14377293 -14.52914072 11.08155702 -11.6875 9 C-10.54527019 8.14623819 -9.40333895 7.29207678 -8.26171875 6.4375 C-7.71306152 6.03015625 -7.1644043 5.6228125 -6.59912109 5.203125 C-4.35946336 3.51808175 -2.17719646 1.76463203 0 0 Z " fill="#FBFBFB" transform="translate(3609,2453)"/>
<path d="M0 0 C3.81625178 -0.35408522 6.76368423 -0.42430795 10.49072266 0.49755859 C14.33469005 4.03081957 16.54113967 8.26579382 18.86572266 12.87255859 C19.51978452 14.06270486 20.17860783 15.25024744 20.84228516 16.43505859 C25.49072266 24.93115234 25.49072266 24.93115234 25.49072266 27.49755859 C21.48920151 27.56944221 17.49260381 27.53357552 13.49072266 27.49755859 C12.34216797 27.51278564 12.34216797 27.51278564 11.17041016 27.52832031 C-3.46849486 27.69387936 -3.46849486 27.69387936 -8.00146484 25.03662109 C-9.83394026 22.96769723 -11.13396247 20.89388285 -12.50927734 18.49755859 C-13.91436149 16.59312508 -15.33152255 14.69755554 -16.75927734 12.81005859 C-19.18467773 9.45815527 -21.42321216 6.070911 -23.50927734 2.49755859 C-20.46841603 2.15492633 -17.42694898 1.82340187 -14.38427734 1.49755859 C-13.129375 1.35447266 -13.129375 1.35447266 -11.84912109 1.20849609 C-10.07115448 1.02134171 -8.28981941 0.8644022 -6.50683594 0.73339844 C-4.33088129 0.56220018 -2.16106549 0.30640403 0 0 Z " fill="#FBFBFB" transform="translate(2468.50927734375,1328.50244140625)"/>
<path d="M0 0 C0.66 0 1.32 0 2 0 C9.13196305 13.2557659 16.259113 26.51136207 23.1875 39.875 C26.97364588 47.17599851 30.84680228 54.42002406 34.8125 61.625 C39.85575298 70.79136858 44.6792187 80.06249923 49.4593811 89.36752319 C54.16670391 98.52593583 59.00874718 107.5999416 63.97753906 116.61962891 C67.84398903 123.65646096 71.49829626 130.77465355 75 138 C67.23121188 137.201641 67.23121188 137.201641 64.56546021 134.59991455 C63.39390072 132.73286876 62.44990934 130.85705628 61.53515625 128.8515625 C60.99543434 127.77145401 60.99543434 127.77145401 60.44480896 126.66952515 C59.28686005 124.3349626 58.17505766 121.98148215 57.0625 119.625 C56.27125959 118.01023031 55.47697429 116.39694914 54.6796875 114.78515625 C53.11982193 111.62026384 51.57694012 108.44811813 50.05126953 105.26660156 C47.59588759 100.14647384 45.05307221 95.07194914 42.5 90 C41.74207648 88.4753156 40.98426106 86.95057746 40.2265625 85.42578125 C35.61670389 76.20811651 30.75129063 67.11794571 25.875 58.0390625 C21.54689124 49.97932031 17.38265603 41.8511129 13.31933594 33.65478516 C10.71448975 28.41327933 8.09230713 23.18040805 5.47344971 17.94589233 C3.90886996 14.81835147 2.34508428 11.69041366 0.78125 8.5625 C0.24564453 7.49128906 -0.28996094 6.42007813 -0.84179688 5.31640625 C-1.22400391 4.55199219 -1.60621094 3.78757812 -2 3 C-1.34 2.01 -0.68 1.02 0 0 Z " fill="#F2F2F2" transform="translate(1797,3145)"/>
<path d="M0 0 C2.01537075 3.02305612 2.31549373 4.07080248 2.6328125 7.53515625 C2.75849609 8.87416992 2.75849609 8.87416992 2.88671875 10.24023438 C2.96535156 11.17158203 3.04398438 12.10292969 3.125 13.0625 C3.21136719 13.96677734 3.29773437 14.87105469 3.38671875 15.80273438 C3.93431319 21.88277109 4.10412336 27.89721425 4 34 C0.75290806 34.70174756 -2.49800252 35.38388069 -5.75 36.0625 C-6.67039062 36.26166016 -7.59078125 36.46082031 -8.5390625 36.66601562 C-9.87324219 36.94155273 -9.87324219 36.94155273 -11.234375 37.22265625 C-12.05131836 37.39547119 -12.86826172 37.56828613 -13.70996094 37.74633789 C-16.20142917 38.02231182 -17.69509704 37.99310735 -20 37 C-21.2043457 35.29760742 -21.2043457 35.29760742 -22.17578125 33.10546875 C-22.52833984 32.31462891 -22.88089844 31.52378906 -23.24414062 30.70898438 C-23.77297852 29.46084961 -23.77297852 29.46084961 -24.3125 28.1875 C-24.68439453 27.36701172 -25.05628906 26.54652344 -25.43945312 25.70117188 C-28.07601619 19.64738741 -28.07601619 19.64738741 -27.74755859 16.85009766 C-26.51360009 13.7962317 -24.08915722 12.83205814 -21.3125 11.1875 C-20.74249268 10.84783203 -20.17248535 10.50816406 -19.58520508 10.15820312 C-13.23121885 6.43407799 -6.63735991 3.18434058 0 0 Z " fill="#FBFBFB" transform="translate(2831,676)"/>
<path d="M0 0 C2.25558307 2.25558307 2.88267671 3.90695526 4.01538086 6.87353516 C4.60125221 8.39619492 4.60125221 8.39619492 5.19895935 9.94961548 C5.6167012 11.051633 6.03444305 12.15365051 6.46484375 13.2890625 C6.89881973 14.42145355 7.33279572 15.5538446 7.77992249 16.72055054 C9.17080764 20.35346814 10.55420102 23.98918795 11.9375 27.625 C12.8660521 30.05357066 13.79508279 32.4819584 14.72460938 34.91015625 C19.05316841 46.22698254 19.05316841 46.22698254 20.97035217 51.30194092 C21.61236318 52.98424781 22.26728224 54.66175429 22.94163513 56.33135986 C24.48631125 60.20403167 25.3674993 63.42003912 25.29296875 67.59375 C25.28330078 68.56054688 25.27363281 69.52734375 25.26367188 70.5234375 C25.23853516 71.50570312 25.21339844 72.48796875 25.1875 73.5 C25.16719727 75.01980469 25.16719727 75.01980469 25.14648438 76.5703125 C25.11143063 79.04744404 25.06229764 81.52342927 25 84 C22.73604183 81.12662864 20.95196471 78.21808297 19.25683594 74.97875977 C18.73329529 73.97994278 18.20975464 72.98112579 17.67034912 71.95204163 C15.30300865 67.37365931 12.94923609 62.78853197 10.61035156 58.19555664 C9.37868284 55.78110653 8.13100013 53.37607405 6.86816406 50.9777832 C5.03916505 47.5037807 3.26063308 44.00518962 1.484375 40.50390625 C0.91990662 39.44611465 0.35543823 38.38832306 -0.22613525 37.29847717 C-4.12050157 29.46917663 -4.45964344 23.56974166 -3 15 C-2.87392868 14.20289612 -2.74785736 13.40579224 -2.6179657 12.58453369 C-2.27402191 10.60958419 -1.8587886 8.64740784 -1.4375 6.6875 C-1.16808594 5.41261719 -0.89867187 4.13773438 -0.62109375 2.82421875 C-0.41613281 1.89222656 -0.21117187 0.96023437 0 0 Z " fill="#F9F9F9" transform="translate(1317,2177)"/>
<path d="M0 0 C3.17374965 3.72264649 5.57110856 7.61216559 7.8125 11.9375 C8.15941895 12.59717773 8.50633789 13.25685547 8.86376953 13.93652344 C11.69092138 19.33791898 14.41171477 24.79073887 17.1015625 30.26171875 C18.42353091 32.91059355 19.82333025 35.50117841 21.2734375 38.08203125 C26.75646232 47.93832981 31.18579358 58.03173621 35.1875 68.5625 C35.43777954 69.21517853 35.68805908 69.86785706 35.94592285 70.54031372 C39.06264285 78.71133784 39.06264285 78.71133784 40 82 C39.67 82.66 39.34 83.32 39 84 C33.629172 78.14668626 28.45550009 72.1868114 23.47265625 66 C21.6377929 63.77381509 19.7808368 61.59759689 17.87109375 59.4375 C17.33331299 58.82551758 16.79553223 58.21353516 16.24145508 57.58300781 C15.19257527 56.39361201 14.13678951 55.21025746 13.07299805 54.03417969 C12.58742432 53.48149414 12.10185059 52.92880859 11.6015625 52.359375 C11.17182129 51.87952148 10.74208008 51.39966797 10.29931641 50.90527344 C6.66032757 45.56918384 5.38422856 39.9150023 4.39453125 33.65234375 C4.26559982 32.87742081 4.1366684 32.10249786 4.00382996 31.30409241 C3.73503301 29.67697696 3.47055003 28.04914347 3.21020508 26.4206543 C2.81280267 23.93938976 2.40067647 21.46090695 1.98632812 18.98242188 C1.72569237 17.39337164 1.46589798 15.80418313 1.20703125 14.21484375 C1.08519974 13.48031479 0.96336823 12.74578583 0.83784485 11.98899841 C0.19872402 7.95143205 -0.1239869 4.08675266 0 0 Z " fill="#F6F6F6" transform="translate(1377,2353)"/>
<path d="M0 0 C4.71939731 8.89111148 9.43295516 17.77892975 13.875 26.8125 C16.96357535 33.07084601 20.26047108 39.19855773 23.625 45.3125 C28.40592246 54.00480498 33.05378189 62.75872206 37.625 71.5625 C38.53113037 73.30237183 38.53113037 73.30237183 39.45556641 75.07739258 C40.01937012 76.16689209 40.58317383 77.2563916 41.1640625 78.37890625 C41.66373535 79.3438501 42.1634082 80.30879395 42.67822266 81.30297852 C43.91737708 83.831412 44.99351102 86.37148085 46 89 C41.545 89.99 41.545 89.99 37 91 C36.40799805 89.84105225 35.81599609 88.68210449 35.20605469 87.48803711 C33.90002011 84.93128422 32.59382147 82.37461551 31.28729248 79.81811523 C28.73432472 74.82261425 26.18302666 69.82627291 23.63476562 64.82836914 C18.46036513 54.68593957 13.26035156 44.55875406 7.984375 34.46875 C6.59885051 31.80812388 5.2143179 29.14698442 3.8302002 26.48562622 C2.94480625 24.78956908 2.05508434 23.09576411 1.16101074 21.40426636 C-0.08047365 19.05488715 -1.30728562 16.69838511 -2.53125 14.33984375 C-3.08573822 13.30537109 -3.08573822 13.30537109 -3.65142822 12.25 C-6.04801908 7.58344399 -6.04801908 7.58344399 -5.80664062 4.65063477 C-4.46639074 1.90807137 -3.17780731 0 0 0 Z " fill="#F6F6F6" transform="translate(1897,3329)"/>
<path d="M0 0 C0.33 0 0.66 0 1 0 C1.29124442 6.29041474 1.57569392 12.58109164 1.85449219 18.87207031 C1.94973907 21.00138146 2.04667821 23.13061775 2.14550781 25.25976562 C4.18591627 69.31593193 4.18591627 69.31593193 0 79.875 C-0.28617188 80.68195313 -0.57234375 81.48890625 -0.8671875 82.3203125 C-1.54736488 84.22480916 -2.26849139 86.11462365 -3 88 C-3.33 88 -3.66 88 -4 88 C-5.04954831 80.57680806 -6.09311117 73.15279509 -7.12921143 65.72771454 C-7.61058979 62.27932436 -8.09396206 58.83123914 -8.58203125 55.38378906 C-9.14410733 51.4129461 -9.69725668 47.44090292 -10.25 43.46875 C-10.51248535 41.62766663 -10.51248535 41.62766663 -10.78027344 39.74938965 C-13.1016811 22.92794192 -13.1016811 22.92794192 -9.375 16.40625 C-8.83359375 15.43945312 -8.2921875 14.47265625 -7.734375 13.4765625 C-7.16203125 12.49429687 -6.5896875 11.51203125 -6 10.5 C-5.42765625 9.48679687 -4.8553125 8.47359375 -4.265625 7.4296875 C-2.85867915 4.94408317 -1.43674905 2.46845715 0 0 Z " fill="#FAFAFA" transform="translate(1330,1924)"/>
<path d="M0 0 C-1.51712964 7.99941082 -3.15040512 15.96015152 -5.0625 23.875 C-5.22459961 24.57044922 -5.38669922 25.26589844 -5.55371094 25.98242188 C-5.97148542 27.6721629 -6.47817057 29.33944157 -7 31 C-9.43819133 32.21909567 -10.34245861 31.93611835 -12.9921875 31.4765625 C-13.77980469 31.3425 -14.56742188 31.2084375 -15.37890625 31.0703125 C-16.20261719 30.92335938 -17.02632812 30.77640625 -17.875 30.625 C-18.69097656 30.48578125 -19.50695313 30.3465625 -20.34765625 30.203125 C-23.93722718 29.58241616 -27.47270798 28.91683766 -31 28 C-31.33772739 25.29215006 -31.67030687 22.58383004 -32 19.875 C-32.09539063 19.11445312 -32.19078125 18.35390625 -32.2890625 17.5703125 C-32.79830188 13.35090048 -33.10888068 9.25995656 -33 5 C-30.16768453 4.34941471 -27.33427799 3.70443287 -24.5 3.0625 C-23.70851563 2.88009766 -22.91703125 2.69769531 -22.1015625 2.50976562 C-14.71249478 0.84419708 -7.59073968 -0.15814041 0 0 Z " fill="#FAFAFA" transform="translate(3251,999)"/>
<path d="M0 0 C0.02952761 3.29164717 0.04697292 6.58325938 0.0625 9.875 C0.07087891 10.7928125 0.07925781 11.710625 0.08789062 12.65625 C0.09442955 14.51330439 0.08049614 16.37053783 0.04663086 18.22729492 C0.01575478 20.06320915 0.03158556 21.90055021 0.09594727 23.7355957 C0.0696487 26.42330884 -0.08039295 28.47100977 -1 31 C-3.72254367 33.57469792 -6.77630981 34.95031198 -10.1875 36.4375 C-11.46463867 37.04754883 -11.46463867 37.04754883 -12.76757812 37.66992188 C-14.41957602 38.45567493 -16.07944467 39.2251409 -17.74755859 39.97607422 C-19.68696032 40.8576969 -21.59181061 41.814622 -23.48828125 42.78515625 C-26 44 -26 44 -28 44 C-27.80584345 40.68401046 -27.57596928 37.3795642 -27.28515625 34.0703125 C-27.05637602 31.35493235 -27.03539344 28.86512637 -27.12109375 26.1171875 C-27.05480028 21.81253174 -26.7554937 18.95311175 -25 15 C-20.42717983 10.67706764 -14.73428683 7.90525016 -9.14648438 5.11962891 C-6.66778097 3.82671105 -2.65324731 0 0 0 Z " fill="#F8F8F8" transform="translate(2803,2519)"/>
<path d="M0 0 C5.58221598 1.61829714 10.50930925 4.17548934 15.625 6.875 C16.470625 7.30941406 17.31625 7.74382812 18.1875 8.19140625 C22.3563097 10.38101766 25.91742693 12.33838005 29 16 C21.48822145 23.21070526 13.68898361 29.28101874 5 35 C2.07299167 33.69113024 0.12815685 32.33773912 -2.015625 29.9609375 C-2.54414063 29.38085938 -3.07265625 28.80078125 -3.6171875 28.203125 C-4.15601562 27.59984375 -4.69484375 26.9965625 -5.25 26.375 C-5.80429688 25.76398438 -6.35859375 25.15296875 -6.9296875 24.5234375 C-8.2917841 23.02043435 -9.64661601 21.5108532 -11 20 C-9.36047417 15.3606824 -6.93128948 11.36144142 -4.375 7.1875 C-3.95476563 6.49462891 -3.53453125 5.80175781 -3.1015625 5.08789062 C-2.0710533 3.38989252 -1.03598319 1.69466386 0 0 Z " fill="#FAFAFA" transform="translate(3644,1935)"/>
<path d="M0 0 C3.63 0.33 7.26 0.66 11 1 C10.74307373 2.32052368 10.74307373 2.32052368 10.48095703 3.66772461 C9.83115403 7.02357759 9.18703465 10.38042897 8.54638672 13.73803711 C8.2712134 15.17432703 7.99396163 16.61022074 7.71435547 18.0456543 C4.35321543 35.31851654 2.61665644 52.07931308 2.6875 69.6875 C2.68832581 70.55997375 2.68915161 71.43244751 2.69000244 72.33135986 C2.72113878 86.65374666 3.48724896 100.61475449 6.58300781 114.64160156 C6.77475586 115.52557617 6.96650391 116.40955078 7.1640625 117.3203125 C7.43790771 118.51938232 7.43790771 118.51938232 7.71728516 119.74267578 C8.01657379 122.13233273 7.73569033 123.72527932 7 126 C-6.62217167 85.64069351 -8.27376182 41.58944273 0 0 Z " fill="#F2F2F2" transform="translate(724,2997)"/>
<path d="M0 0 C7.07841726 0.50096384 14.05474862 1.40324366 21.0625 2.5 C22.33057495 2.69589722 22.33057495 2.69589722 23.62426758 2.89575195 C24.41986084 3.02296631 25.2154541 3.15018066 26.03515625 3.28125 C27.10842163 3.45237305 27.10842163 3.45237305 28.20336914 3.62695312 C30 4 30 4 32 5 C30.35524908 9.74020912 27.80327535 13.73268578 25.125 17.9375 C24.69058594 18.62779297 24.25617187 19.31808594 23.80859375 20.02929688 C21.26411237 24.05996933 18.66111964 28.04545244 16 32 C11.19822231 31.38581913 7.45112199 29.38340662 3.25 27.125 C2.22326172 26.59712891 2.22326172 26.59712891 1.17578125 26.05859375 C-3.8777651 23.36670471 -3.8777651 23.36670471 -5 20 C-4.65454102 17.82348633 -4.65454102 17.82348633 -4.00390625 15.33203125 C-3.77509766 14.43935547 -3.54628906 13.54667969 -3.31054688 12.62695312 C-2.94026367 11.23379883 -2.94026367 11.23379883 -2.5625 9.8125 C-2.31951172 8.87212891 -2.07652344 7.93175781 -1.82617188 6.96289062 C-1.22479053 4.63990779 -0.61581254 2.31919117 0 0 Z " fill="#FBFBFB" transform="translate(3509,1434)"/>
<path d="M0 0 C0.66 0 1.32 0 2 0 C4.22740549 5.91210286 6.32833131 11.85605915 8.25 17.875 C8.58515625 18.92429687 8.9203125 19.97359375 9.265625 21.0546875 C10.00308786 24.01238427 10.36802237 25.98069721 10 29 C8.1640625 31.40356445 8.1640625 31.40356445 5.625 33.86328125 C4.72265625 34.74951172 3.8203125 35.63574219 2.890625 36.54882812 C1.93671875 37.46083984 0.9828125 38.37285156 0 39.3125 C-0.96467802 40.25208992 -1.92823385 41.19283347 -2.890625 42.13476562 C-5.24961133 44.43477729 -7.61945787 46.72234034 -10 49 C-10.66 48.67 -11.32 48.34 -12 48 C-13.20340883 44.16416052 -13.88770031 40.1874754 -14.6875 36.25 C-14.92533203 35.15171875 -15.16316406 34.0534375 -15.40820312 32.921875 C-15.62798828 31.8596875 -15.84777344 30.7975 -16.07421875 29.703125 C-16.27619873 28.73020508 -16.47817871 27.75728516 -16.6862793 26.75488281 C-17.13364871 22.82638752 -16.80937393 20.08791159 -14.43359375 16.89453125 C-13.77488281 16.20746094 -13.11617187 15.52039062 -12.4375 14.8125 C-8.57732046 10.6810646 -5.09585094 6.36249814 -1.6640625 1.87109375 C-1.11492188 1.25363281 -0.56578125 0.63617187 0 0 Z " fill="#F9F9F9" transform="translate(2902,2262)"/>
<path d="M0 0 C0.33 0 0.66 0 1 0 C1.50812114 2.51943396 2.00664534 5.04016873 2.5 7.5625 C2.64308594 8.26697266 2.78617188 8.97144531 2.93359375 9.69726562 C3.06894531 10.39658203 3.20429687 11.09589844 3.34375 11.81640625 C3.46943359 12.45006104 3.59511719 13.08371582 3.72460938 13.73657227 C4.59225522 20.86772888 3.32212952 27.31769895 1.8828125 34.26953125 C1.6655954 35.34571213 1.4483783 36.42189301 1.22457886 37.53068542 C0.53105708 40.95927884 -0.17179483 44.38588096 -0.875 47.8125 C-1.34046721 50.10469119 -1.80531721 52.39700781 -2.26953125 54.68945312 C-3.1275198 58.92242259 -3.98914914 63.15461438 -4.85498047 67.38598633 C-5.91850184 72.58765128 -6.96364169 77.79286053 -8 83 C-11.20147622 79.79852378 -12.54618447 75.74740591 -14.3125 71.625 C-14.71017578 70.78066406 -15.10785156 69.93632812 -15.51757812 69.06640625 C-18.6950985 61.55590356 -17.54270864 56.56002303 -15 49 C-14.39881016 46.98373694 -13.79986401 44.96680357 -13.203125 42.94921875 C-12.55520755 40.86100724 -11.90407047 38.77379244 -11.25 36.6875 C-10.54652886 34.4232846 -9.84341178 32.15895916 -9.140625 29.89453125 C-8.78677734 28.75709473 -8.43292969 27.6196582 -8.06835938 26.44775391 C-6.35847802 20.92971356 -4.67855363 15.40263573 -3 9.875 C-2.69739258 8.87944092 -2.39478516 7.88388184 -2.08300781 6.8581543 C-1.38828871 4.57221895 -0.69393482 2.28617353 0 0 Z " fill="#F4F4F4" transform="translate(1321,2058)"/>
<path d="M0 0 C4.2870223 1.28882 8.16853591 2.99151433 12.1640625 4.96972656 C29.3883496 13.48825986 47.30684411 19.62227192 66 24 C66.72380859 24.17241211 67.44761719 24.34482422 68.19335938 24.52246094 C73.72054933 25.80150008 79.25742907 26.7187625 84.875 27.5 C86.220177 27.69009644 86.220177 27.69009644 87.5925293 27.8840332 C96.70547361 29.14481819 105.84432262 30.11059134 115 31 C115 31.33 115 31.66 115 32 C72.89428501 32.76144064 34.86078134 26.7564837 -4 10 C-3.52449439 8.51965236 -3.04448784 7.04074979 -2.5625 5.5625 C-2.29566406 4.73878906 -2.02882813 3.91507813 -1.75390625 3.06640625 C-1 1 -1 1 0 0 Z " fill="#F5F5F5" transform="translate(2639,3617)"/>
<path d="M0 0 C-0.65239583 3.74871425 -1.69407606 7.14322365 -3.03125 10.703125 C-3.42957031 11.7653125 -3.82789062 12.8275 -4.23828125 13.921875 C-4.86283203 15.56929687 -4.86283203 15.56929687 -5.5 17.25 C-6.12455078 18.920625 -6.12455078 18.920625 -6.76171875 20.625 C-9.86787549 28.86787549 -9.86787549 28.86787549 -11 30 C-12.71643786 30.29837249 -14.44301762 30.53887782 -16.171875 30.75390625 C-17.22890625 30.88603516 -18.2859375 31.01816406 -19.375 31.15429688 C-20.48875 31.28900391 -21.6025 31.42371094 -22.75 31.5625 C-23.84828125 31.70107422 -24.9465625 31.83964844 -26.078125 31.98242188 C-30.75124889 32.55805546 -35.28521093 33.08538172 -40 33 C-38.5893584 29.80980062 -37.17039391 26.62336785 -35.75 23.4375 C-35.35425781 22.54224609 -34.95851563 21.64699219 -34.55078125 20.72460938 C-33.75997335 18.95501465 -32.95202121 17.19297703 -32.12670898 15.43920898 C-30.99797716 13.08332023 -30.99797716 13.08332023 -30.23461914 10.90649414 C-28.94290648 7.84328983 -27.5157521 6.22561023 -24.48681641 4.90063477 C-21.32197384 3.96151158 -18.16977711 3.2324905 -14.9375 2.5625 C-13.83599609 2.30791016 -12.73449219 2.05332031 -11.59960938 1.79101562 C-3.69693396 0 -3.69693396 0 0 0 Z " fill="#FAFAFA" transform="translate(2623,2731)"/>
<path d="M0 0 C4.87355733 4.56005364 8.88052637 9.71329215 12.9375 15 C13.64712891 15.88945313 14.35675781 16.77890625 15.08789062 17.6953125 C15.74853516 18.55898437 16.40917969 19.42265625 17.08984375 20.3125 C17.69691162 21.09238281 18.30397949 21.87226562 18.92944336 22.67578125 C20 25 20 25 19.33081055 27.4753418 C18.67205933 28.72504761 18.67205933 28.72504761 18 30 C17.43321533 31.23520386 17.43321533 31.23520386 16.85498047 32.49536133 C16.44650879 33.3489624 16.03803711 34.20256348 15.6171875 35.08203125 C15.17246094 36.01337891 14.72773438 36.94472656 14.26953125 37.90429688 C13.80933594 38.86400391 13.34914063 39.82371094 12.875 40.8125 C12.40707031 41.79154297 11.93914063 42.77058594 11.45703125 43.77929688 C10.30609188 46.18687413 9.15370472 48.59374699 8 51 C7.34 51 6.68 51 6 51 C4.59545898 48.99633789 4.59545898 48.99633789 2.99609375 46.22265625 C2.13274414 44.74055664 2.13274414 44.74055664 1.25195312 43.22851562 C0.35379883 41.66133789 0.35379883 41.66133789 -0.5625 40.0625 C-1.75017307 38.0110647 -2.93891748 35.96024914 -4.12890625 33.91015625 C-4.65556885 32.99371338 -5.18223145 32.07727051 -5.72485352 31.13305664 C-6.828064 29.09056786 -6.828064 29.09056786 -8 28 C-7.62227522 21.08420275 -5.95206697 15.35586995 -3.4375 8.9375 C-3.10814453 8.07189453 -2.77878906 7.20628906 -2.43945312 6.31445312 C-1.63561991 4.20584717 -0.8224288 2.10140651 0 0 Z " fill="#FAFAFA" transform="translate(2913,1983)"/>
<path d="M0 0 C3.21448598 1.20265635 5.99395694 2.50501696 8.8125 4.4609375 C9.49570313 4.93273438 10.17890625 5.40453125 10.8828125 5.890625 C11.93082031 6.62539062 11.93082031 6.62539062 13 7.375 C13.69867187 7.85710937 14.39734375 8.33921875 15.1171875 8.8359375 C16.47481274 9.7785905 17.82533077 10.73158102 19.16772461 11.69580078 C20.75117595 12.822889 22.37443846 13.8936531 24.00390625 14.953125 C26 17 26 17 26.33984375 19.9609375 C26.20707031 21.08757812 26.07429688 22.21421875 25.9375 23.375 C25.8034375 24.6021875 25.669375 25.829375 25.53125 27.09375 C25.26828125 29.02734375 25.26828125 29.02734375 25 31 C24.91234375 31.66644531 24.8246875 32.33289062 24.734375 33.01953125 C24.20600885 37.02112786 23.62421307 41.01230872 23 45 C18.55435497 45 16.34881277 42.1361647 13.1875 39.3125 C11.97297039 38.24573599 10.7581294 37.17932638 9.54296875 36.11328125 C8.95386719 35.57485596 8.36476563 35.03643066 7.7578125 34.48168945 C5.82538617 32.7670762 5.82538617 32.7670762 2.57421875 31 C-1.75525947 25.95441688 -0.62341558 20.07942393 -0.375 13.6875 C-0.34792969 12.37458984 -0.32085938 11.06167969 -0.29296875 9.70898438 C-0.2223216 6.47099021 -0.12370566 3.23633042 0 0 Z " fill="#FAFAFA" transform="translate(2834,1718)"/>
<path d="M0 0 C6.1901378 1.31196993 12.2859447 2.84389729 18.375 4.5625 C19.16777344 4.78357422 19.96054688 5.00464844 20.77734375 5.23242188 C23.87646738 6.10028137 26.94599 6.98199667 30 8 C30.78369141 9.91430664 30.78369141 9.91430664 31.3515625 12.41015625 C31.66867188 13.77237305 31.66867188 13.77237305 31.9921875 15.16210938 C32.20101562 16.11923828 32.40984375 17.07636719 32.625 18.0625 C32.8415625 18.99255859 33.058125 19.92261719 33.28125 20.88085938 C34.50184691 26.24169084 35.42047042 31.53310427 36 37 C27.27580595 35.84939678 13.36888094 33.48710641 7.60546875 26.24853516 C5.67956365 22.36006935 4.95822532 18.27641738 4.34179688 14.00976562 C3.8104154 10.88524256 2.74664071 7.97971587 1.6875 5 C1.36136719 4.030625 1.03523438 3.06125 0.69921875 2.0625 C0.46847656 1.381875 0.23773437 0.70125 0 0 Z " fill="#F9F9F9" transform="translate(2672,1492)"/>
<path d="M0 0 C-4.01163477 3.27767653 -8.54687102 5.40495772 -13.17626953 7.65014648 C-17.055373 9.53228714 -20.87439556 11.46530315 -24.64453125 13.55859375 C-35.03227227 19.17049829 -42.50852008 21.07769754 -54.16601562 19.38525391 C-58.2941229 18.82407599 -62.43719066 18.4398467 -66.58303833 18.03439331 C-73.06014504 17.39902476 -79.53023945 16.70652922 -86 16 C-86 15.34 -86 14.68 -86 14 C-85.09870361 13.80365967 -84.19740723 13.60731934 -83.26879883 13.4050293 C-79.85980659 12.66200742 -76.45097257 11.91826735 -73.04223633 11.17407227 C-71.579081 10.85478303 -70.11586677 10.53576357 -68.65258789 10.21704102 C-66.52473889 9.75351302 -64.3971354 9.28886916 -62.26953125 8.82421875 C-61.560849 8.67027145 -60.85216675 8.51632416 -60.12200928 8.35771179 C-55.90884504 7.437422 -51.72238522 6.4393136 -47.53515625 5.40625 C-40.37923745 3.74470713 -33.16897501 2.87920249 -25.87744141 2.06469727 C-23.60599542 1.81037213 -21.33623812 1.54370552 -19.06640625 1.27539062 C-12.68457283 0.53891148 -6.4360536 -0.10246505 0 0 Z " fill="#F6F6F6" transform="translate(2244,2823)"/>
<path d="M0 0 C0.33 0 0.66 0 1 0 C1.0837253 7.33930863 0.86163807 14.59771303 0.34375 21.91796875 C0.27716187 22.90122635 0.21057373 23.88448395 0.14196777 24.89753723 C-0.06855092 27.99444044 -0.28418142 31.0909621 -0.5 34.1875 C-0.64487159 36.30531529 -0.78940585 38.42315368 -0.93359375 40.54101562 C-1.28516896 45.69428535 -1.64132453 50.8472198 -2 56 C-3.41903807 55.69325349 -4.83755712 55.38410549 -6.25585938 55.07397461 C-7.04585327 54.90208115 -7.83584717 54.73018768 -8.64978027 54.55308533 C-12.02483932 53.75882102 -15.22447403 52.70537374 -18.5 51.5625 C-20.30984375 50.94568359 -20.30984375 50.94568359 -22.15625 50.31640625 C-23.0946875 49.88199219 -24.033125 49.44757812 -25 49 C-26 46 -26 46 -24.4375 42.71875 C-23.63491257 41.30681915 -22.82144966 39.90104096 -22 38.5 C-21.08383211 36.89759444 -20.16852614 35.29469588 -19.25390625 33.69140625 C-18.74230957 32.8008252 -18.23071289 31.91024414 -17.70361328 30.99267578 C-15.78525855 27.62277147 -13.90232433 24.23398505 -12.02734375 20.83984375 C-11.68933746 20.2283548 -11.35133118 19.61686584 -11.00308228 18.98684692 C-9.64059303 16.52131483 -8.27865403 14.05547941 -6.91723633 11.58935547 C-5.95561367 9.8490084 -4.99153116 8.1100212 -4.02734375 6.37109375 C-3.46781006 5.35974365 -2.90827637 4.34839355 -2.33178711 3.30639648 C-1 1 -1 1 0 0 Z " fill="#F8F8F8" transform="translate(797,2890)"/>
<path d="M0 0 C0.495 0.99 0.495 0.99 1 2 C0.06298828 4.64770508 0.06298828 4.64770508 -1.4296875 8.01953125 C-1.69563217 8.62652359 -1.96157684 9.23351593 -2.23558044 9.85890198 C-3.10827406 11.84665237 -3.99163588 13.82947166 -4.875 15.8125 C-5.47373672 17.17166965 -6.07163404 18.53120937 -6.66870117 19.89111328 C-7.87015609 22.62644822 -9.07486559 25.36031327 -10.28173828 28.09326172 C-12.66631467 33.50293071 -14.99236035 38.93744334 -17.3125 44.375 C-18.037723 46.07032851 -18.76297919 47.76564281 -19.48828125 49.4609375 C-20.23658203 51.21277344 -20.23658203 51.21277344 -21 53 C-26.09562589 49.63692943 -31.14086517 46.23835216 -36.0625 42.625 C-37.00222656 41.93664063 -37.94195313 41.24828125 -38.91015625 40.5390625 C-39.94462891 39.77722656 -39.94462891 39.77722656 -41 39 C-39.51407301 35.42898191 -37.53257153 33.45457244 -34.625 30.9375 C-30.66274709 27.46194001 -26.74739524 23.94961314 -22.875 20.375 C-18.9480683 16.76378592 -14.98726624 13.19882356 -10.95703125 9.703125 C-7.27681098 6.50037841 -3.64214837 3.24589612 0 0 Z " fill="#F9F9F9" transform="translate(607,2428)"/>
<path d="M0 0 C-0.40990543 13.47355811 -0.9630622 26.92928392 -1.9375 40.375 C-2.04940674 42.03088135 -2.04940674 42.03088135 -2.16357422 43.72021484 C-2.24236816 44.74840332 -2.32116211 45.7765918 -2.40234375 46.8359375 C-2.46929443 47.73876465 -2.53624512 48.6415918 -2.60522461 49.57177734 C-3.01060212 52.06521256 -3.74896348 53.82028383 -5 56 C-8.68100907 46.67226602 -12.34810244 37.3391667 -16 28 C-16.43103027 26.89817383 -16.86206055 25.79634766 -17.30615234 24.66113281 C-18.43944757 21.7556007 -19.56513463 18.84726866 -20.6875 15.9375 C-21.02587891 15.0710083 -21.36425781 14.2045166 -21.71289062 13.31176758 C-22.01775391 12.51665771 -22.32261719 11.72154785 -22.63671875 10.90234375 C-22.90186279 10.21648193 -23.16700684 9.53062012 -23.44018555 8.82397461 C-24 7 -24 7 -24 4 C-20.37552059 3.33048182 -16.75033483 2.66486934 -13.125 2 C-12.09246094 1.80921875 -11.05992187 1.6184375 -9.99609375 1.421875 C-8.51689453 1.15117188 -8.51689453 1.15117188 -7.0078125 0.875 C-5.64100342 0.62363281 -5.64100342 0.62363281 -4.24658203 0.3671875 C-2 0 -2 0 0 0 Z " fill="#F9F9F9" transform="translate(925,1062)"/>
<path d="M0 0 C2.97009886 3.53323687 4.69696128 7.5122692 6.5625 11.6875 C20.90154595 42.91408053 42.57523323 69.1816541 67 93 C62.81814075 93 60.92795604 90.69685654 57.9375 88.0625 C57.35750244 87.56032959 56.77750488 87.05815918 56.17993164 86.54077148 C54.44638849 85.03486773 52.72254872 83.51845527 51 82 C49.68515625 80.8553125 49.68515625 80.8553125 48.34375 79.6875 C38.01406477 70.56518057 28.4027396 60.94377426 20 50 C19.57364258 49.44473633 19.14728516 48.88947266 18.70800781 48.31738281 C8.31046397 34.68604563 -0.67969548 20.51322812 -8 5 C-4.04 2.525 -4.04 2.525 0 0 Z " fill="#F4F4F4" transform="translate(1578,3634)"/>
<path d="M0 0 C8.53125 -0.09375 8.53125 -0.09375 12.28125 0.65625 C12.97734375 0.79160156 13.6734375 0.92695312 14.390625 1.06640625 C15.08671875 1.20949219 15.7828125 1.35257813 16.5 1.5 C17.22703125 1.64308594 17.9540625 1.78617188 18.703125 1.93359375 C20.47009071 2.28233698 22.23525309 2.64019723 24 3 C21.40974587 11.33106558 18.0288278 19.29151365 14.625 27.3125 C14.05437206 28.66327825 13.48405772 30.01418901 12.9140625 31.36523438 C12.07615787 33.35089285 11.23793012 35.33640933 10.39825439 37.32131958 C7.90945047 43.20476857 5.44945127 49.10005966 3 55 C2.67 55 2.34 55 2 55 C0.77043155 43.61253666 0.66767333 32.19102357 0.4375 20.75 C0.39421745 18.73306565 0.35060039 16.71613845 0.30664062 14.69921875 C0.20056979 9.79955308 0.09902793 4.89981286 0 0 Z " fill="#FAFAFA" transform="translate(1298,739)"/>
<path d="M0 0 C0.05945801 0.65145996 0.11891602 1.30291992 0.18017578 1.97412109 C3.40346943 36.00569105 11.7244825 68.92843362 27.32861328 99.46118164 C28.06893799 100.9112561 28.06893799 100.9112561 28.82421875 102.390625 C29.26854248 103.23657227 29.71286621 104.08251953 30.1706543 104.95410156 C30.44433838 105.62924805 30.71802246 106.30439453 31 107 C30.67 107.66 30.34 108.32 30 109 C25.06944485 101.1286315 20.29699741 93.23949253 16 85 C15.690625 84.40848145 15.38125 83.81696289 15.0625 83.20751953 C2.61755905 59.283822 -11.0658928 28.53556411 -10 1 C-6.58505832 0.2194419 -3.49609808 -0.04700636 0 0 Z " fill="#F3F3F3" transform="translate(1104,3387)"/>
<path d="M0 0 C5.54482676 2.97562693 10.33958615 6.45343589 15.25 10.375 C24.67120453 17.80757025 34.3030854 24.93264711 44 32 C40.85693881 33.04768706 39.94088086 32.98009825 36.82324219 32.3190918 C35.98517029 32.14528488 35.14709839 31.97147797 34.28363037 31.79240417 C33.3805011 31.59665298 32.47737183 31.40090179 31.546875 31.19921875 C30.61329163 31.00278275 29.67970825 30.80634674 28.71783447 30.60395813 C26.73999155 30.18630643 24.76293551 29.76491364 22.78662109 29.34008789 C19.77734629 28.69337688 16.76593745 28.05756344 13.75390625 27.42382812 C11.83059325 27.01626589 9.90741174 26.60808253 7.984375 26.19921875 C7.08934265 26.00954025 6.1943103 25.81986176 5.27215576 25.62443542 C0.45229048 24.58608455 -4.27704037 23.41648696 -9 22 C-6.66062389 14.33204498 -3.45231194 7.22862726 0 0 Z " fill="#F8F8F8" transform="translate(589,2499)"/>
<path d="M0 0 C8.54865328 6.00224592 15.1265168 11.63530884 19.68359375 21.203125 C20.38382907 22.63855402 21.08554242 24.07326276 21.78857422 25.50732422 C22.15037781 26.24738708 22.5121814 26.98744995 22.88494873 27.74993896 C24.71058228 31.4338834 26.62309183 35.07131912 28.53515625 38.7109375 C29.28865102 40.15352073 30.04190644 41.596229 30.79492188 43.0390625 C31.94329515 45.23776808 33.09416425 47.4350132 34.25170898 49.62890625 C35.39515114 51.79835723 36.52853134 53.97280471 37.66015625 56.1484375 C38.1880349 57.14041641 38.1880349 57.14041641 38.72657776 58.1524353 C39.54583161 59.73802108 40.28167914 61.36620862 41 63 C40.67 63.66 40.34 64.32 40 65 C29.41224235 60.43257694 20.30058763 55.63501297 15.37030029 44.78692627 C13.3408725 39.62372988 11.57377942 34.40475199 9.875 29.125 C9.12228499 26.96390621 8.3632006 24.80502001 7.59765625 22.6484375 C5.6537584 17.12319963 3.80963606 11.57037227 2 6 C1.33493804 3.99946581 0.66916147 1.99916667 0 0 Z " fill="#F7F7F7" transform="translate(1463,2532)"/>
<path d="M0 0 C2.1130768 3.1696152 2.8155685 5.55298332 3.76953125 9.22265625 C4.09896729 10.47594727 4.42840332 11.72923828 4.76782227 13.02050781 C5.11622346 14.36779323 5.46444622 15.71512479 5.8125 17.0625 C6.52391078 19.7883197 7.2385357 22.51329337 7.953125 25.23828125 C8.12840225 25.90898651 8.3036795 26.57969177 8.48426819 27.27072144 C10.12400915 33.52527093 11.87131391 39.74838007 13.71606445 45.94555664 C15.10883822 50.78232355 15.10883822 50.78232355 14 53 C7.33646697 45.36834934 0.70835386 37.72825926 -5.65625 29.84375 C-7.48301633 27.62727352 -9.33404964 25.44777472 -11.21875 23.28125 C-11.77232178 22.64388916 -12.32589355 22.00652832 -12.89624023 21.34985352 C-13.99046212 20.09402347 -15.0888144 18.84177804 -16.19165039 17.59350586 C-20 13.21976233 -20 13.21976233 -20 11 C-13.4 7.37 -6.8 3.74 0 0 Z " fill="#F7F7F7" transform="translate(653,1494)"/>
<path d="M0 0 C-3.61780551 3.0534447 -7.29363041 5.41160019 -11.4453125 7.6796875 C-12.05583466 8.01493439 -12.66635681 8.35018127 -13.29537964 8.69558716 C-15.23614809 9.75991943 -17.18046991 10.81755892 -19.125 11.875 C-20.40649096 12.57638283 -21.68774299 13.27820241 -22.96875 13.98046875 C-25.46510718 15.34838505 -27.96440717 16.71069025 -30.46582031 18.06933594 C-32.74701154 19.31027789 -35.01317947 20.57046081 -37.27636719 21.84472656 C-38.25508789 22.39354492 -39.23380859 22.94236328 -40.2421875 23.5078125 C-41.09409668 23.99137207 -41.94600586 24.47493164 -42.82373047 24.97314453 C-45 26 -45 26 -48 26 C-48.84145956 22.91882573 -49.67173062 19.83474379 -50.5 16.75 C-50.73847656 15.87730469 -50.97695313 15.00460937 -51.22265625 14.10546875 C-51.44824219 13.26113281 -51.67382812 12.41679688 -51.90625 11.546875 C-52.11572266 10.77182617 -52.32519531 9.99677734 -52.54101562 9.19824219 C-53 7 -53 7 -53 3 C-46.41651504 2.57004872 -39.83283919 2.14311726 -33.24902344 1.71826172 C-31.01037179 1.5734459 -28.77176438 1.42794472 -26.53320312 1.28173828 C-23.31131249 1.07142837 -20.08926967 0.86360225 -16.8671875 0.65625 C-15.37153763 0.55781799 -15.37153763 0.55781799 -13.84567261 0.45739746 C-9.22160311 0.16210187 -4.63661961 -0.0819432 0 0 Z " fill="#F9F9F9" transform="translate(707,1450)"/>
<path d="M0 0 C3.76396158 4.54812024 7.12436298 9.34979773 10.5 14.1875 C11.10859863 15.05793945 11.71719727 15.92837891 12.34423828 16.82519531 C18.36127291 25.46287874 24.20515743 34.21221677 30 43 C29.505 43.99 29.505 43.99 29 45 C24.64274291 42.42460965 20.28693984 39.8467823 15.93237305 37.2668457 C14.45586647 36.39250331 12.97898868 35.51878746 11.50170898 34.64575195 C7.29667833 32.16037778 3.09860294 29.66403263 -1.08795166 27.14764404 C-2.32436094 26.40553009 -3.56249278 25.66627523 -4.80267334 24.93048096 C-6.38933381 23.98673538 -7.96653117 23.02713083 -9.54296875 22.06640625 C-10.41332764 21.54119385 -11.28368652 21.01598145 -12.18041992 20.47485352 C-12.78088135 19.98815186 -13.38134277 19.5014502 -14 19 C-14 15.36101004 -13.33670965 14.9120832 -10.9375 12.3125 C-9.99003906 11.27029297 -9.99003906 11.27029297 -9.0234375 10.20703125 C-8.02183594 9.11455078 -8.02183594 9.11455078 -7 8 C-5.68372629 6.5033104 -4.37102516 5.00346871 -3.0625 3.5 C-2.04166667 2.33333333 -1.02083333 1.16666667 0 0 Z " fill="#F8F8F8" transform="translate(537,1991)"/>
<path d="M0 0 C6.69201294 1.44525561 13.31626037 3.0731122 19.9375 4.8125 C20.93080322 5.07240723 21.92410645 5.33231445 22.94750977 5.60009766 C31.99035376 7.9767101 41.00152763 10.46110517 50 13 C50 13.66 50 14.32 50 15 C38.88839627 17.15581166 27.76771532 19.26064848 16.625 21.25 C15.66972412 21.42499023 14.71444824 21.59998047 13.73022461 21.78027344 C8.73592683 22.66055218 4.07106469 23.19557825 -1 23 C-1.12152487 15.26291674 -0.84800767 7.692641 0 0 Z " fill="#F8F8F8" transform="translate(938,1024)"/>
<path d="M0 0 C10.3421626 13.51968054 11.95996891 26.44869901 13.9375 43 C14.24052339 45.35576771 14.54584419 47.71124109 14.85351562 50.06640625 C15.40542242 54.36168503 15.95208061 58.65732928 16.46850586 62.95703125 C16.57174667 63.81272705 16.67498749 64.66842285 16.78135681 65.55004883 C17.00419427 68.04699783 17.03809373 70.49452812 17 73 C13.15514898 70.12999596 10.23396384 67.0624814 7.25 63.3125 C6.08210938 61.85263672 6.08210938 61.85263672 4.890625 60.36328125 C4.26671875 59.58339844 3.6428125 58.80351562 3 58 C2.67 57.67 2.34 57.34 2 57 C0.89759419 50.15691799 0.67700286 43.29402625 0.4375 36.375 C0.3950415 35.1996167 0.35258301 34.0242334 0.30883789 32.81323242 C-0.05767407 21.87318217 -0.09959752 10.94466066 0 0 Z " fill="#F9F9F9" transform="translate(1353,2308)"/>
<path d="M0 0 C11.36768511 9.63781999 22.22916575 19.37295497 31.58203125 31.01171875 C34.17483105 34.21606746 36.82843735 37.36143613 39.5 40.5 C43.05736502 44.69530624 46.60914426 48.89481167 50.125 53.125 C50.84945313 53.99382813 51.57390625 54.86265625 52.3203125 55.7578125 C54 58 54 58 55 61 C37.97139789 54.52303199 21.44398067 45.16514545 13.57495117 28.27148438 C12.76614884 26.43146311 11.97420281 24.58393028 11.20019531 22.72900391 C9.21606326 18.21748477 6.71879504 14.00951633 4.25 9.75 C0 2.30655539 0 2.30655539 0 0 Z " fill="#F7F7F7" transform="translate(1501,2567)"/>
<path d="M0 0 C1.13098512 3.39295537 0.87941087 4.09748294 -0.22265625 7.3671875 C-0.65457275 8.68021851 -0.65457275 8.68021851 -1.09521484 10.01977539 C-1.41441895 10.96199951 -1.73362305 11.90422363 -2.0625 12.875 C-4.02409993 18.77198063 -5.95683144 24.64243672 -7.48828125 30.66796875 C-10.36007626 41.93121535 -13.74423944 49.88179823 -21 59 C-22.20592754 60.75833606 -23.39576386 62.52791777 -24.5625 64.3125 C-25.03816406 65.03050781 -25.51382812 65.74851562 -26.00390625 66.48828125 C-26.49697266 67.23658203 -26.49697266 67.23658203 -27 68 C-28.55634943 63.96965458 -27.50489024 60.23645806 -26.671875 56.15625 C-26.52220276 55.39131226 -26.37253052 54.62637451 -26.21832275 53.83825684 C-25.89940119 52.21689705 -25.57636026 50.5963429 -25.24951172 48.9765625 C-24.75769072 46.53813031 -24.2780642 44.09756466 -23.80078125 41.65625 C-23.04011944 37.78985505 -22.24650998 33.93139497 -21.43222046 30.07595825 C-21.0374243 28.1797492 -20.66742356 26.27842099 -20.30004883 24.37670898 C-18.93623959 17.95157498 -17.42231796 14.10375351 -12.1875 10.0625 C-11.67896484 9.63388672 -11.17042969 9.20527344 -10.64648438 8.76367188 C-9.11861647 7.48367101 -7.55928138 6.24154103 -6 5 C-4.86867322 4.06411625 -3.73968044 3.12540241 -2.61328125 2.18359375 C-1.75089844 1.46300781 -0.88851563 0.74242187 0 0 Z " fill="#F6F6F6" transform="translate(1422,1696)"/>
<path d="M0 0 C0.66 0.33 1.32 0.66 2 1 C1.14277344 1.9178125 0.28554688 2.835625 -0.59765625 3.78125 C-8.50133269 12.25378097 -8.50133269 12.25378097 -16.1796875 20.9296875 C-19.11873183 24.2723774 -22.15063604 27.53067011 -25.18212891 30.78955078 C-27.61833685 33.42449053 -29.91342782 36.07879895 -32 39 C-36.54786639 37.48404454 -38.12439059 33.98619031 -40.75 30.125 C-41.26949219 29.39152344 -41.78898438 28.65804688 -42.32421875 27.90234375 C-43.05318359 26.84080078 -43.05318359 26.84080078 -43.796875 25.7578125 C-44.24385742 25.1095752 -44.69083984 24.46133789 -45.15136719 23.79345703 C-46 22 -46 22 -45 19 C-42.26293945 17.5612793 -42.26293945 17.5612793 -38.61328125 16.07421875 C-37.95982224 15.80414505 -37.30636322 15.53407135 -36.63310242 15.2558136 C-34.53032746 14.38931177 -32.42175312 13.5380947 -30.3125 12.6875 C-28.25913647 11.84747662 -26.20705633 11.0043711 -24.15499878 10.16116333 C-22.79511723 9.6037182 -21.43421366 9.04875972 -20.07229614 8.49630737 C-16.66889729 7.11321239 -13.28599222 5.69807121 -9.92724609 4.20947266 C-8.96119698 3.78345512 -8.96119698 3.78345512 -7.97563171 3.34883118 C-6.20904381 2.56546029 -4.44654773 1.77288065 -2.68432617 0.97973633 C-1.35558472 0.49476685 -1.35558472 0.49476685 0 0 Z " fill="#F9F9F9" transform="translate(572,1932)"/>
<path d="M0 0 C3.89721192 1.40361385 7.07086487 3.23834539 10.48828125 5.5703125 C11.53967285 6.28348633 12.59106445 6.99666016 13.67431641 7.73144531 C14.22073792 8.10466919 14.76715942 8.47789307 15.33013916 8.86242676 C18.07778566 10.73422892 20.84349015 12.57912514 23.60546875 14.4296875 C25.79987173 15.91087691 27.99388123 17.39264944 30.1875 18.875 C30.753479 19.25462891 31.31945801 19.63425781 31.90258789 20.02539062 C33.55642947 21.13504059 35.20602649 22.25100863 36.85546875 23.3671875 C37.82121826 24.01800293 38.78696777 24.66881836 39.78198242 25.33935547 C42 27 42 27 43 29 C33.9869399 28.25588771 25.10045258 26.83908935 16.17504883 25.41601562 C13.54506115 24.99722308 10.91420013 24.58427382 8.28320312 24.171875 C6.60671613 23.90659548 4.93028184 23.64098259 3.25390625 23.375 C2.46955704 23.25205566 1.68520782 23.12911133 0.87709045 23.00244141 C-2.18451518 22.51134151 -5.05249639 21.9825012 -8 21 C-5.72564796 13.81783567 -2.96415819 6.9241798 0 0 Z " fill="#F8F8F8" transform="translate(1347,711)"/>
<path d="M0 0 C1.60872253 0.00503589 3.21744663 0.00959502 4.82617188 0.01367188 C8.69665461 0.02448719 12.56705896 0.04163076 16.4375 0.0625 C13.26944022 2.61290277 9.98448134 4.40438933 6.34375 6.20703125 C5.75638062 6.49930099 5.16901123 6.79157074 4.56384277 7.09269714 C2.69025189 8.02393007 0.81396861 8.94958178 -1.0625 9.875 C-2.2918526 10.48465126 -3.52102091 11.09467428 -4.75 11.70507812 C-6.57300923 12.61048054 -8.396528 13.51473805 -10.22216797 14.41482544 C-13.173382 15.87038236 -16.1122282 17.34500779 -19.0390625 18.84912109 C-20.10898438 19.39777832 -21.17890625 19.94643555 -22.28125 20.51171875 C-23.22935547 21.00373779 -24.17746094 21.49575684 -25.15429688 22.00268555 C-27.5625 23.0625 -27.5625 23.0625 -30.5625 23.0625 C-31.40429395 20.33568889 -32.23613069 17.60648557 -33.0625 14.875 C-33.30097656 14.10607422 -33.53945312 13.33714844 -33.78515625 12.54492188 C-34.01074219 11.79404297 -34.23632812 11.04316406 -34.46875 10.26953125 C-34.67822266 9.5835083 -34.88769531 8.89748535 -35.10351562 8.19067383 C-35.62625536 5.76688537 -35.63804763 3.53479619 -35.5625 1.0625 C-23.69096539 0.22405337 -11.89874455 -0.06618045 0 0 Z " fill="#FAFAFA" transform="translate(1193.5625,3328.9375)"/>
<path d="M0 0 C8.96339944 2.25072145 17.66994139 5.16690937 26.41601562 8.12792969 C31.14750484 9.72476259 35.88685999 11.29803618 40.625 12.875 C42.42971873 13.47646881 44.234409 14.07802302 46.0390625 14.6796875 C47.18689209 15.06229736 47.18689209 15.06229736 48.35791016 15.45263672 C48.8997998 15.6332666 49.44168945 15.81389648 50 16 C50 16.33 50 16.66 50 17 C13.12295442 22.76303063 13.12295442 22.76303063 -2 23 C-1.86149295 19.54133208 -1.71295273 16.08316725 -1.5625 12.625 C-1.52318359 11.64015625 -1.48386719 10.6553125 -1.44335938 9.640625 C-1.40146484 8.69960937 -1.35957031 7.75859375 -1.31640625 6.7890625 C-1.27974854 5.91975098 -1.24309082 5.05043945 -1.20532227 4.15478516 C-1 2 -1 2 0 0 Z " fill="#F9F9F9" transform="translate(804,2962)"/>
<path d="M0 0 C8.19903225 0.49666351 16.13723656 1.37585935 24.1875 3 C25.24324219 3.20858643 26.29898437 3.41717285 27.38671875 3.63208008 C31.26085682 4.40685364 35.13078047 5.20113051 39 6 C39.84032776 6.17287537 40.68065552 6.34575073 41.54644775 6.52386475 C47.23899835 7.69607478 52.92863918 8.88143088 58.6156311 10.08032227 C60.53735148 10.48485645 62.45953359 10.88720344 64.38217163 11.28735352 C67.10021198 11.85451095 69.81592975 12.43169694 72.53125 13.01171875 C73.35716141 13.18241379 74.18307281 13.35310883 75.03401184 13.52897644 C80.77119777 14.77119777 80.77119777 14.77119777 83 17 C78.91181947 17.57842178 74.8224891 18.14766661 70.73193359 18.70898438 C69.34487755 18.90056848 67.95814574 19.09451727 66.57177734 19.29101562 C62.05464 19.93026394 57.53302235 20.48212648 53 21 C52.15236084 21.13768799 51.30472168 21.27537598 50.43139648 21.41723633 C41.2873675 22.33232726 32.72645093 16.63059969 24.8125 12.6875 C23.1838342 11.8920523 21.55428207 11.09841665 19.92382812 10.30664062 C17.62101048 9.18817442 15.31972059 8.06749871 13.02534485 6.93180847 C8.73546246 4.81084108 4.41532145 2.84660399 0 1 C0 0.67 0 0.34 0 0 Z " fill="#F5F5F5" transform="translate(1915,2820)"/>
<path d="M0 0 C6.61626506 2.10858829 12.83068172 4.96518396 19.125 7.875 C20.05756622 8.3056778 20.05756622 8.3056778 21.00897217 8.74505615 C31.6417418 13.68163829 41.7296874 19.23901069 51.63574219 25.51074219 C54.99573218 27.62721668 58.38972887 29.68649847 61.78271484 31.74951172 C65.19397223 33.82408009 68.59688922 35.91210111 72 38 C68.3532709 39.21557637 66.63047009 38.68283528 62.8984375 37.85546875 C61.68542969 37.59056641 60.47242188 37.32566406 59.22265625 37.05273438 C57.95292969 36.76720703 56.68320313 36.48167969 55.375 36.1875 C54.12847656 35.91357422 52.88195313 35.63964844 51.59765625 35.35742188 C49.15847322 34.8203895 46.72152546 34.27308735 44.28710938 33.71484375 C42.33140151 33.2895383 40.36465553 32.90605063 38.38476562 32.61328125 C31.78377514 31.58987187 28.33756099 28.31307769 23.75 23.625 C22.27547857 22.17502937 20.80020959 20.72581858 19.32421875 19.27734375 C18.60024902 18.55659668 17.8762793 17.83584961 17.13037109 17.09326172 C13.499239 13.52538106 9.71421452 10.12817353 5.93457031 6.71923828 C3.58561899 4.57384226 1.77780046 2.66670069 0 0 Z " fill="#F6F6F6" transform="translate(1689,2731)"/>
<path d="M0 0 C3.21109666 1.40837573 5.29599049 3.08035636 7.72265625 5.59765625 C8.4202002 6.31228027 9.11774414 7.0269043 9.83642578 7.76318359 C10.93833252 8.90134521 10.93833252 8.90134521 12.0625 10.0625 C18.42458761 16.51864171 24.75343939 22.53705135 32 28 C32.80606689 28.62068359 32.80606689 28.62068359 33.62841797 29.25390625 C51.16796953 42.73906441 71.01911286 55.62833695 92 63 C87.86915767 64.37694744 85.23802074 62.86514612 81.375 61.3125 C80.59664795 61.0036084 79.8182959 60.6947168 79.01635742 60.37646484 C47.18074608 47.43928414 20.15598427 30.3069951 -5 7 C-3.35 4.69 -1.7 2.38 0 0 Z " fill="#F0F0F0" transform="translate(2110,3716)"/>
<path d="M0 0 C7.36462873 7.28737738 14.10083617 15.03308857 20.6171875 23.08203125 C23.20757062 26.25418894 25.84732802 29.37999409 28.5 32.5 C30.3347994 34.66542852 32.16759103 36.83254861 34 39 C35.26650391 40.49660156 35.26650391 40.49660156 36.55859375 42.0234375 C42.39626892 49.02097916 46.81211116 55.06612056 49 64 C44.0578454 60.96102079 40.18021052 57.43113829 36.1328125 53.29296875 C35.17518509 52.32753899 35.17518509 52.32753899 34.19821167 51.34260559 C32.16895169 49.29564074 30.14652713 47.24209965 28.125 45.1875 C26.10978596 43.14446487 24.093052 41.10299125 22.07321167 39.06452942 C20.8214068 37.8006855 19.57227876 36.53418192 18.32644653 35.26445007 C14.59501456 31.49104864 10.72865366 27.95166788 6.68730164 24.51147461 C1.66809571 20.01530027 1.35990461 15.05045083 0.8125 8.6875 C0.73064453 7.85154297 0.64878906 7.01558594 0.56445312 6.15429688 C0.36527231 4.10390612 0.18112718 2.05206438 0 0 Z " fill="#F5F5F5" transform="translate(1389,2428)"/>
<path d="M0 0 C0 5.65726068 -3.64223298 10.48697913 -7.43115234 14.52539062 C-11.14583848 18.17466523 -15.05983833 21.5978883 -19 25 C-19.72574219 25.63679688 -20.45148438 26.27359375 -21.19921875 26.9296875 C-22.43542143 28.0129846 -23.67498419 29.09246001 -24.91796875 30.16796875 C-27.60517185 32.53250581 -30.2402232 34.95247831 -32.875 37.375 C-33.38417969 37.84220459 -33.89335938 38.30940918 -34.41796875 38.79077148 C-36.9121433 41.07960394 -39.40233703 43.37239314 -41.88671875 45.671875 C-42.76972656 46.48140625 -43.65273437 47.2909375 -44.5625 48.125 C-45.34753906 48.84945313 -46.13257813 49.57390625 -46.94140625 50.3203125 C-49 52 -49 52 -52 53 C-52 53.66 -52 54.32 -52 55 C-52.66 55 -53.32 55 -54 55 C-53.56730125 53.1863478 -53.12853661 51.37414268 -52.6875 49.5625 C-52.44386719 48.55316406 -52.20023438 47.54382812 -51.94921875 46.50390625 C-51.63597656 45.34761719 -51.32273437 44.19132812 -51 43 C-50.83709473 42.27441895 -50.67418945 41.54883789 -50.50634766 40.80126953 C-48.75070498 34.14159705 -45.66042371 31.43212814 -40 27.75 C-39.20907959 27.20770752 -38.41815918 26.66541504 -37.60327148 26.10668945 C-35.93241633 24.9646837 -34.2544066 23.8330836 -32.56982422 22.71142578 C-30.02237635 21.01490198 -27.49514268 19.29197195 -24.97265625 17.55859375 C-21.76345075 15.35355185 -18.54842322 13.15755435 -15.328125 10.96875 C-10.13518637 7.42501235 -5.04457673 3.7522582 0 0 Z " fill="#F4F4F4" transform="translate(1497,1602)"/>
<path d="M0 0 C0.66 0.33 1.32 0.66 2 1 C-6.20523969 15.76661069 -14.35173296 30.37290985 -24.47314453 43.93457031 C-26.1974261 46.26706504 -27.87960577 48.62689457 -29.55859375 50.9921875 C-30.74725281 52.66156018 -31.93605182 54.33083323 -33.125 56 C-33.96067505 57.17780029 -33.96067505 57.17780029 -34.81323242 58.37939453 C-35.33119385 59.09981934 -35.84915527 59.82024414 -36.3828125 60.5625 C-36.84059082 61.20316406 -37.29836914 61.84382813 -37.77001953 62.50390625 C-39 64 -39 64 -41 65 C-39.17578647 56.92134006 -36.87524007 48.99344963 -34.5 41.0625 C-34.20343506 40.05566162 -33.90687012 39.04882324 -33.60131836 38.01147461 C-31.63416934 31.51688996 -29.87131378 26.23928191 -24.5 21.8125 C-21.09894983 18.94286392 -17.78283928 16.00470984 -14.5 13 C-10.52807399 9.3765856 -6.5223778 5.80002156 -2.4609375 2.27734375 C-1.61953273 1.54167701 -0.79030613 0.79030613 0 0 Z " fill="#F5F5F5" transform="translate(1464,1658)"/>
<path d="M0 0 C3.5348191 3.5348191 4.84805107 8.47667138 6.6875 13.0625 C7.33041992 14.58133789 7.33041992 14.58133789 7.98632812 16.13085938 C10.59779654 22.65322253 11.48815407 27.15684059 10 34 C9.69749131 35.81221249 9.3967961 37.62472838 9.09765625 39.4375 C8.75625031 41.29234149 8.41116368 43.14650908 8.0625 45 C7.89298828 45.95261719 7.72347656 46.90523437 7.54882812 47.88671875 C7.37931641 48.79035156 7.20980469 49.69398438 7.03515625 50.625 C6.8844165 51.44226562 6.73367676 52.25953125 6.57836914 53.1015625 C6.29207642 54.04128906 6.29207642 54.04128906 6 55 C5.01 55.495 5.01 55.495 4 56 C1.94241862 52.20626409 -0.06396675 48.38762565 -2.0625 44.5625 C-2.64322266 43.49322266 -3.22394531 42.42394531 -3.82226562 41.32226562 C-7.20800885 34.771153 -9.06738851 30.21465802 -7 23 C-6.73159302 22.0243811 -6.73159302 22.0243811 -6.45776367 21.02905273 C-5.88640493 19.14580999 -5.22478607 17.29072184 -4.5625 15.4375 C-2.77561014 10.33255706 -1.18526728 5.27982697 0 0 Z " fill="#F7F7F7" transform="translate(1299,2130)"/>
<path d="M0 0 C1.79379098 0.44994757 3.58498928 0.91024143 5.375 1.375 C6.37273438 1.63023437 7.37046875 1.88546875 8.3984375 2.1484375 C11 3 11 3 13 5 C12.5153125 5.97195312 12.030625 6.94390625 11.53125 7.9453125 C5.79964926 19.66366823 1.27552702 31.68380139 -3 44 C-7.16138263 44.08159574 -10.9472484 43.98248524 -15 43 C-12.03874137 28.17160792 -6.76409253 13.52818506 0 0 Z " fill="#F8F8F8" transform="translate(742,2942)"/>
<path d="M0 0 C9.55209268 1.07638102 18.92444726 3.01204423 28.34228516 4.90844727 C30.51805098 5.34194992 32.69580903 5.76557893 34.87548828 6.17895508 C47.91002108 8.65490399 59.04068725 11.25423822 70 19 C70 19.33 70 19.66 70 20 C63.65424684 19.82849316 57.33297439 19.43081458 51 19 C50.3231012 18.95806519 49.64620239 18.91613037 48.9487915 18.8729248 C44.28029374 18.58362559 39.62127324 18.23389443 34.96179199 17.82385254 C33.37940192 17.69270457 31.7954921 17.57862204 30.21057129 17.48278809 C19.3826073 16.80964442 12.82473101 14.74061086 5.30053711 6.70458984 C3.44170562 4.51928418 1.66927211 2.33167073 0 0 Z " fill="#F5F5F5" transform="translate(1744,2782)"/>
<path d="M0 0 C-1.39412109 1.37671875 -1.39412109 1.37671875 -2.81640625 2.78125 C-10.46271499 10.25745185 -10.46271499 10.25745185 -17.625 18.1875 C-22.22015969 23.63757312 -27.69417041 28.26047406 -33 33 C-36.30111531 31.89962823 -36.65501001 31.45494288 -38.48046875 28.69140625 C-38.92197266 28.02689453 -39.36347656 27.36238281 -39.81835938 26.67773438 C-40.27017578 25.97970703 -40.72199219 25.28167969 -41.1875 24.5625 C-41.65091797 23.86833984 -42.11433594 23.17417969 -42.59179688 22.45898438 C-46 17.27389774 -46 17.27389774 -46 15 C-37.00619291 11.64981432 -28.00547743 8.31868048 -19 5 C-18.03803711 4.64405762 -17.07607422 4.28811523 -16.08496094 3.92138672 C-13.70537676 3.04349493 -11.32243696 2.17572173 -8.9375 1.3125 C-7.90508179 0.92940674 -7.90508179 0.92940674 -6.85180664 0.53857422 C-2.23051912 -1.11525956 -2.23051912 -1.11525956 0 0 Z " fill="#F7F7F7" transform="translate(1661,3546)"/>
<path d="M0 0 C0.15557373 0.68400879 0.31114746 1.36801758 0.47143555 2.07275391 C4.4280356 19.55403614 4.4280356 19.55403614 10.1171875 36.5234375 C11 39 11 39 11 42 C9.3203125 43.38671875 9.3203125 43.38671875 7.125 44.6875 C6.40570312 45.12449219 5.68640625 45.56148437 4.9453125 46.01171875 C3 47 3 47 1 47 C-7.8916639 22.69980053 -7.8916639 22.69980053 -11.125 12.625 C-11.51945312 11.40039062 -11.91390625 10.17578125 -12.3203125 8.9140625 C-13 6 -13 6 -12 3 C-10.0390625 2.05078125 -10.0390625 2.05078125 -7.625 1.3125 C-6.83351563 1.06113281 -6.04203125 0.80976563 -5.2265625 0.55078125 C-3 0 -3 0 0 0 Z " fill="#F7F7F7" transform="translate(1563,3581)"/>
<path d="M0 0 C2.82080379 0.61262631 5.13808856 1.47154809 7.671875 2.84765625 C8.66767578 3.38422852 8.66767578 3.38422852 9.68359375 3.93164062 C10.36550781 4.30482422 11.04742188 4.67800781 11.75 5.0625 C12.44738281 5.43955078 13.14476562 5.81660156 13.86328125 6.20507812 C15.57768302 7.13273388 17.28913661 8.06583454 19 9 C15.89477347 14.00842989 12.25519739 18.12577169 8.1875 22.375 C6.92880785 23.70620007 5.67098482 25.03822248 4.4140625 26.37109375 C3.81883789 27.00128418 3.22361328 27.63147461 2.61035156 28.28076172 C-0.35113879 31.44249838 -3.18013132 34.71255106 -6 38 C-7.31121022 39.50112758 -8.62370866 41.00113091 -9.9375 42.5 C-10.52402344 43.1703125 -11.11054687 43.840625 -11.71484375 44.53125 C-12.35099609 45.25828125 -12.35099609 45.25828125 -13 46 C-14.71974059 42.56051881 -12.65017778 38.95279611 -11.54296875 35.44921875 C-11.27994461 34.59826126 -11.01692047 33.74730377 -10.7459259 32.87055969 C-10.18682646 31.06636843 -9.6241973 29.26326784 -9.05834961 27.46118164 C-8.19499348 24.71136697 -7.34163287 21.95861581 -6.49023438 19.20507812 C-5.94589761 17.45294312 -5.40099389 15.70098412 -4.85546875 13.94921875 C-4.60016891 13.12822189 -4.34486908 12.30722504 -4.08183289 11.46134949 C-2.85954751 7.57347378 -1.59058177 3.75736538 0 0 Z " fill="#F5F5F5" transform="translate(1780,558)"/>
<path d="M0 0 C4.88673513 4.53632971 8.75234618 9.74342039 12.75 15.0625 C13.45576172 15.99537842 14.16152344 16.92825684 14.88867188 17.8894043 C16.9299685 20.58981104 18.96593977 23.29414006 21 26 C21.80147461 27.06444336 21.80147461 27.06444336 22.61914062 28.15039062 C25.08674882 31.42815746 27.54814184 34.71042364 30 38 C29.01 38.495 29.01 38.495 28 39 C25.63246841 37.92842272 23.39713137 36.79810329 21.12109375 35.5546875 C20.43499527 35.18779816 19.74889679 34.82090881 19.04200745 34.44290161 C16.83640598 33.26105644 14.63701121 32.06813448 12.4375 30.875 C10.98150522 30.09303192 9.5251291 29.31177344 8.06835938 28.53125 C1.01360757 24.74468741 -6.014516 20.91312827 -13 17 C-12.25205645 13.5396454 -11.36625027 12.04787525 -8.75 9.625 C-5.56324777 6.58280148 -2.76125748 3.43065324 0 0 Z " fill="#F6F6F6" transform="translate(1838,550)"/>
<path d="M0 0 C4.09891414 1.6102877 6.76207298 4.57813953 9.75 7.6875 C13.76403696 11.7893955 17.83464619 15.70249253 22.20703125 19.42578125 C24.66720175 21.58580023 26.92964924 23.91930274 29.22265625 26.25390625 C31.06593574 28.06477643 32.97822799 29.75321354 34.9375 31.4375 C38.46634763 34.47679651 41.73005027 37.71016847 44.99609375 41.02734375 C47.58246151 43.57337829 50.3153528 45.92021557 53.06640625 48.28515625 C55.56569138 50.50169397 57.88281884 52.87162281 60.22265625 55.25390625 C62.06593574 57.06477643 63.97822799 58.75321354 65.9375 60.4375 C69.46634763 63.47679651 72.73005027 66.71016847 75.99609375 70.02734375 C78.57857406 72.56955147 81.30664285 74.91335209 84.0546875 77.2734375 C86.61594545 79.54668251 88.9922043 81.97944658 91.390625 84.421875 C93.46409701 86.45508542 95.68682856 88.2475974 98 90 C97.01 91.98 97.01 91.98 96 94 C92.993182 92.66000502 91.00237391 91.20154709 88.75 88.8125 C86.40383343 86.33276454 83.94748472 84.07615471 81.359375 81.85546875 C75.62961262 76.88125764 70.38552733 71.43184398 65.06640625 66.02734375 C60.8453859 61.7652762 56.56031609 57.69341441 52.00976562 53.78710938 C47.3565815 49.64943836 43.07451638 45.10991768 38.7109375 40.671875 C35.24644594 37.17166703 31.77745201 33.74726344 28.0390625 30.5390625 C23.22882529 26.40545103 18.82180248 21.89238665 14.375 17.375 C9.4204703 12.34256889 4.53867317 7.39150461 -1 3 C-0.67 2.01 -0.34 1.02 0 0 Z " fill="#EFEFEF" transform="translate(1992,3024)"/>
<path d="M0 0 C4.40876068 1.76350427 6.3743814 2.94335892 9.8125 5.9375 C16.83114603 11.84085433 24.39200707 16.89300349 32 22 C31.00892857 29.65178571 31.00892857 29.65178571 29 33 C24.02325828 32.46301053 20.55138439 30.14583476 16.4375 27.5 C15.73802246 27.0551123 15.03854492 26.61022461 14.31787109 26.15185547 C-2.99414555 15.0117089 -2.99414555 15.0117089 -6 9 C-4.02 6.03 -2.04 3.06 0 0 Z " fill="#F8F8F8" transform="translate(2590,3584)"/>
<path d="M0 0 C3.96 0 7.92 0 12 0 C11.39186032 14.33656937 10.73771485 28.66949662 10 43 C6.1389146 44.43668294 3.103573 45.11185208 -1 45 C-1.02467081 38.91276345 -1.04284604 32.82555583 -1.05493164 26.73828125 C-1.05996852 24.66633599 -1.06679825 22.5943943 -1.07543945 20.52246094 C-1.08753321 17.54881918 -1.09323467 14.57522431 -1.09765625 11.6015625 C-1.10281754 10.67131256 -1.10797882 9.74106262 -1.11329651 8.78262329 C-1.11337204 7.92188202 -1.11344757 7.06114075 -1.11352539 6.17431641 C-1.115746 5.41486725 -1.11796661 4.65541809 -1.12025452 3.87295532 C-1 2 -1 2 0 0 Z " fill="#FAFAFA" transform="translate(1093,3331)"/>
<path d="M0 0 C-0.29648438 1.16402344 -0.59296875 2.32804687 -0.8984375 3.52734375 C-1.59088623 6.26763434 -2.1887063 8.97498252 -2.7265625 11.75390625 C-6.32429496 27.00516341 -17.56097594 35.37712562 -30 44 C-29.40377795 39.32141052 -28.71472569 34.66185592 -28 30 C-27.85175781 28.83082031 -27.70351562 27.66164063 -27.55078125 26.45703125 C-26.55542616 20.43548594 -25.4317553 16.68562813 -20.625 12.75 C-18.77044421 11.46986414 -16.89314468 10.22234538 -15 9 C-13.83706525 8.1776152 -12.67836902 7.34921194 -11.5234375 6.515625 C-2.4221276 0 -2.4221276 0 0 0 Z " fill="#F7F7F7" transform="translate(1439,1644)"/>
<path d="M0 0 C0.99 0.495 0.99 0.495 2 1 C-1.33827269 4.38779066 -4.68312216 7.7688979 -8.03417969 11.14404297 C-9.17272175 12.29262909 -10.30946058 13.44300565 -11.44433594 14.59521484 C-13.07794489 16.25314197 -14.71797679 17.90447603 -16.359375 19.5546875 C-17.11586334 20.3266597 -17.11586334 20.3266597 -17.88763428 21.11422729 C-22.68735984 25.91546277 -26.38593139 27.22521322 -32.9609375 28.69140625 C-33.62912506 28.841577 -34.29731262 28.99174774 -34.98574829 29.14646912 C-36.39555229 29.46231432 -37.80591733 29.7756644 -39.21679688 30.08666992 C-41.36190251 30.55961233 -43.5052712 31.03983802 -45.6484375 31.52148438 C-51.41507836 32.80939747 -57.16109564 34.07756723 -63 35 C-60.85238101 32.69844035 -58.6915171 31.05858483 -56 29.43359375 C-55.20537354 28.95325684 -54.41074707 28.47291992 -53.59204102 27.97802734 C-52.73666748 27.46965332 -51.88129395 26.9612793 -51 26.4375 C-49.66183228 25.64013428 -49.66183228 25.64013428 -48.29663086 24.82666016 C-35.65843049 17.36384907 -22.64033892 10.71367133 -9.4375 4.3125 C-8.07057007 3.64226807 -8.07057007 3.64226807 -6.67602539 2.95849609 C-5.83289795 2.5558252 -4.98977051 2.1531543 -4.12109375 1.73828125 C-3.3727124 1.37774658 -2.62433105 1.01721191 -1.85327148 0.64575195 C-1.24169189 0.43265381 -0.6301123 0.21955566 0 0 Z " fill="#F3F3F3" transform="translate(2472,2730)"/>
<path d="M0 0 C15.11340259 4.15618571 26.08603256 17.99096337 36.73974609 28.76074219 C40.5168386 32.5665616 44.37924728 36.17882614 48.48046875 39.63671875 C50.60659879 41.54422359 52.32384383 43.69528527 54 46 C52.13287668 45.79254185 50.2665028 45.57450744 48.40625 45.3125 C46.00562691 44.96926077 46.00562691 44.96926077 43.59375 44.875 C36.2523566 44.13156776 33.04010546 40.58039457 28.42578125 35.0546875 C27.62527344 34.04664062 26.82476563 33.03859375 26 32 C24.90751953 30.67355469 24.90751953 30.67355469 23.79296875 29.3203125 C22.32925762 27.54276061 20.87502323 25.75736867 19.4296875 23.96484375 C16.11468824 19.91969192 12.69225533 15.96985572 9.24853516 12.03393555 C5.90703623 8.17935412 2.91305774 4.18884945 0 0 Z " fill="#F4F4F4" transform="translate(1647,2711)"/>
<path d="M0 0 C0.495 0.99 0.495 0.99 1 2 C-4.47508007 17.46340181 -11.63357652 33.47951332 -26.8203125 41.00390625 C-27.51286133 41.32375488 -28.20541016 41.64360352 -28.91894531 41.97314453 C-32.47359233 43.72711513 -35.67048012 46.01768607 -38.9375 48.25 C-40.93327408 49.60295077 -42.88941246 50.82228595 -45 52 C-45.66 51.67 -46.32 51.34 -47 51 C-45.40253825 48.91124924 -43.79720373 46.82929165 -42.1875 44.75 C-41.75501953 44.1828125 -41.32253906 43.615625 -40.87695312 43.03125 C-32.13034965 31.7768791 -21.91199831 21.77154966 -11.8125 11.75 C-10.65796499 10.60049954 -9.50366702 9.45076096 -8.34960938 8.30078125 C-5.56911591 5.53111674 -2.78548804 2.76464098 0 0 Z " fill="#F7F7F7" transform="translate(2660,2567)"/>
<path d="M0 0 C4.05666957 3.22663055 7.38198103 6.42044257 10.625 10.5 C11.72714844 11.87671875 11.72714844 11.87671875 12.8515625 13.28125 C13.56054688 14.1784375 14.26953125 15.075625 15 16 C15.71285156 16.73089844 16.42570312 17.46179687 17.16015625 18.21484375 C19.84088452 22.27293135 20.20475987 26.3001522 20.8125 31.0625 C20.94591797 31.96033203 21.07933594 32.85816406 21.21679688 33.78320312 C21.78198118 37.8482988 22.22109075 41.02394718 21 45 C20.443125 44.43152344 19.88625 43.86304687 19.3125 43.27734375 C14.95661933 38.86995774 10.54857816 34.6167173 5.82421875 30.60546875 C5.22222656 30.07566406 4.62023438 29.54585937 4 29 C3.31043213 28.42773682 2.62086426 27.85547363 1.91040039 27.26586914 C-0.53128453 24.36985921 -0.46705151 22.88552401 -0.390625 19.140625 C-0.37773438 18.02558594 -0.36484375 16.91054687 -0.3515625 15.76171875 C-0.31804687 14.60285156 -0.28453125 13.44398438 -0.25 12.25 C-0.23195313 11.07566406 -0.21390625 9.90132812 -0.1953125 8.69140625 C-0.1481912 5.7934466 -0.08241305 2.89713582 0 0 Z " fill="#F6F6F6" transform="translate(1356,2389)"/>
<path d="M0 0 C1.07062683 0.11098022 2.14125366 0.22196045 3.24432373 0.33630371 C6.61663973 0.68719478 9.98798688 1.04656446 13.359375 1.40625 C15.66530551 1.64770021 17.97129472 1.88859063 20.27734375 2.12890625 C25.8887146 2.71489374 31.49931836 3.3078183 37.109375 3.90625 C33.99389857 6.28366462 30.87793938 8.29494474 27.421875 10.15625 C26.44863281 10.69765625 25.47539062 11.2390625 24.47265625 11.796875 C17.2829578 14.16838993 9.05294219 11.38970791 1.82421875 9.83984375 C0.41167564 9.54231956 0.41167564 9.54231956 -1.02940369 9.23878479 C-4.00484174 8.61111505 -6.97898438 7.97753582 -9.953125 7.34375 C-11.98364089 6.91432059 -14.01423913 6.48528035 -16.04492188 6.05664062 C-20.99445266 5.01100579 -25.94283145 3.96007319 -30.890625 2.90625 C-30.890625 2.24625 -30.890625 1.58625 -30.890625 0.90625 C-20.98985192 -2.69403112 -10.27214181 -1.11246196 0 0 Z " fill="#F6F6F6" transform="translate(2155.890625,2844.09375)"/>
<path d="M0 0 C1.19165039 1.55957031 1.19165039 1.55957031 2.34765625 3.578125 C2.78360107 4.32143066 3.2195459 5.06473633 3.66870117 5.83056641 C4.12865479 6.62897949 4.5886084 7.42739258 5.0625 8.25 C9.8357467 16.32383603 15.08197346 23.73404984 21 31 C19.02 33.64 17.04 36.28 15 39 C5.19022136 35.73007379 -4.06647644 17.7615511 -9.8828125 9.2421875 C-11 7 -11 7 -10 4 C-8.4765625 2.578125 -8.4765625 2.578125 -6.625 1.25 C-6.01914063 0.80140625 -5.41328125 0.3528125 -4.7890625 -0.109375 C-3 -1 -3 -1 0 0 Z " fill="#F7F7F7" transform="translate(2078,3670)"/>
<path d="M0 0 C0.99 0.33 1.98 0.66 3 1 C5.55104486 16.69365006 8.08386848 32.38886875 10.48388672 48.10644531 C11.55727633 55.13400899 12.65039685 62.1582034 13.75512695 69.1809082 C15.84238783 82.46160903 17.89297652 95.74775884 19.90240479 109.04046631 C20.17446981 110.83802287 20.44753128 112.63542891 20.72161865 114.43267822 C21.10509592 116.94947875 21.48470791 119.46683279 21.86328125 121.984375 C21.97864731 122.73707672 22.09401337 123.48977844 22.21287537 124.26528931 C22.7056734 127.56926798 23 130.64858532 23 134 C21.68 134 20.36 134 19 134 C16.24072721 119.61616083 14.29488699 105.12402801 12.32589722 90.6151123 C11.34684218 83.40109945 10.35664731 76.18861722 9.36328125 68.9765625 C9.26407946 68.25588593 9.16487766 67.53520935 9.06266975 66.79269409 C6.85725141 50.7921256 4.48469055 34.81756646 2.03222656 18.85302734 C1.89343582 17.94114655 1.75464508 17.02926575 1.61164856 16.0897522 C1.35686413 14.41686536 1.09905746 12.74443445 0.83744812 11.07260132 C0.27172316 7.35013055 -0.14523374 3.76767134 0 0 Z " fill="#EDEDED" transform="translate(1433,2770)"/>
<path d="M0 0 C2.80045893 4.99337871 3.68178495 10.54061154 4.87915039 16.08764648 C5.30684267 18.03671853 5.76748135 19.97846625 6.22851562 21.91992188 C8.03511244 30.27489575 8.12187412 36.0507234 5 44 C4.63640381 44.99185303 4.27280762 45.98370605 3.89819336 47.00561523 C2.74591697 50.08506237 1.53932783 53.13706206 0.3125 56.1875 C-0.10322266 57.23486328 -0.51894531 58.28222656 -0.94726562 59.36132812 C-1.959627 61.90968607 -2.97725164 64.45579719 -4 67 C-4.33 67 -4.66 67 -5 67 C-5.48001637 50.94899094 -5.02569377 35.36904472 -3.0625 19.4375 C-2.97109741 18.69276428 -2.87969482 17.94802856 -2.78552246 17.1807251 C-1.16832286 4.18816795 -1.16832286 4.18816795 0 0 Z " fill="#F8F8F8" transform="translate(2832,2107)"/>
<path d="M0 0 C0.33 0 0.66 0 1 0 C0.77544525 4.67693344 0.41175128 9.33649102 0 14 C-0.06493652 14.80808105 -0.12987305 15.61616211 -0.19677734 16.44873047 C-1.25518958 28.63799462 -3.05563677 36.12811946 -12 45 C-13.43839158 46.77427268 -14.85596708 48.56566695 -16.25 50.375 C-18.99209758 53.81907457 -21.7896564 56.99030287 -25 60 C-23.75921409 53.69110973 -22.04200669 47.75483125 -19.75 41.75 C-19.41863037 40.87827148 -19.08726074 40.00654297 -18.74584961 39.10839844 C-15.42015123 30.63127161 -11.5330056 22.43894688 -7.5625 14.25 C-7.24591431 13.59704956 -6.92932861 12.94409912 -6.60314941 12.2713623 C-1.23344663 1.23344663 -1.23344663 1.23344663 0 0 Z " fill="#F4F4F4" transform="translate(2784,2353)"/>
<path d="M0 0 C-10.95899191 8.89515162 -22.61020557 16.9111727 -34.2890625 24.82226562 C-35.76447164 25.8378726 -37.21319214 26.89205305 -38.65625 27.953125 C-43.89240451 31.75118074 -48.58037554 33.22267595 -55 34 C-51.77049095 29.86219153 -48.36095085 26.45234184 -44.37109375 23.05078125 C-41.52724291 20.59110796 -38.7629852 18.04945037 -36 15.5 C-20.0678394 0.84221234 -20.0678394 0.84221234 -13.25 0.375 C-12.1878125 0.30152344 -11.125625 0.22804688 -10.03125 0.15234375 C-6.67429674 -0.01636911 -3.35958049 -0.0763541 0 0 Z " fill="#F4F4F4" transform="translate(1798,1375)"/>
<path d="M0 0 C0.66 0 1.32 0 2 0 C0.50075316 12.96937193 -1.83318606 25.78510579 -4.14868164 38.62915039 C-4.80407852 42.26577145 -5.45423135 45.90329881 -6.10351562 49.54101562 C-8.39521852 62.33941583 -10.77275202 75.11786663 -13.24804688 87.88200378 C-15.03420783 97.11322052 -16.70093403 106.36193468 -18.3125 115.625 C-18.57857881 117.1445658 -18.84485528 118.664097 -19.11132812 120.18359375 C-19.74312879 123.78867285 -20.37237982 127.39419043 -21 131 C-22.32 131.33 -23.64 131.66 -25 132 C-24.37830741 123.79688736 -22.89730646 115.85335002 -21.27606201 107.80383301 C-20.47329495 103.81420227 -19.68661678 99.82142725 -18.90234375 95.828125 C-18.74179504 95.01075867 -18.58124634 94.19339233 -18.41583252 93.35125732 C-16.78730027 85.00392277 -15.32286796 76.63020724 -13.875 68.25 C-12.04492311 57.68436008 -10.08072989 47.1644274 -7.83251953 36.67822266 C-5.94778486 27.87820848 -4.26012982 19.04426735 -2.61108398 10.19726562 C-2.41458252 9.15505859 -2.21808105 8.11285156 -2.015625 7.0390625 C-1.84321289 6.11303223 -1.67080078 5.18700195 -1.49316406 4.23291016 C-1 2 -1 2 0 0 Z " fill="#ECECEC" transform="translate(1247,2524)"/>
<path d="M0 0 C0.33 0 0.66 0 1 0 C1.78125 6.0546875 1.78125 6.0546875 2 9 C2.0712207 9.72316406 2.14244141 10.44632813 2.21582031 11.19140625 C2.63607135 18.47575759 0.45050574 23.09190648 -3.25 29.25 C-3.74113281 30.10851563 -4.23226563 30.96703125 -4.73828125 31.8515625 C-7.33255112 36.34829695 -10.06283149 40.72012588 -13 45 C-15.19864144 41.70203784 -15.58714574 39.63198996 -16.1875 35.75 C-16.36667969 34.65171875 -16.54585937 33.5534375 -16.73046875 32.421875 C-17.29384758 25.26941331 -15.8978381 21.04448912 -11.3125 15.625 C-10.40128424 14.50060767 -9.49243242 13.37429552 -8.5859375 12.24609375 C-8.1434668 11.69937012 -7.70099609 11.15264648 -7.24511719 10.58935547 C-4.97970559 7.6976242 -3.02312342 4.61155735 -1.05859375 1.51171875 C-0.70925781 1.01285156 -0.35992188 0.51398438 0 0 Z " fill="#F5F5F5" transform="translate(1328,1876)"/>
<path d="M0 0 C1.13480527 3.60993172 1.10015767 6.9842327 1.0625 10.75 C1.05347656 11.92046875 1.04445313 13.0909375 1.03515625 14.296875 C1.02355469 15.18890625 1.01195313 16.0809375 1 17 C-13.05938503 16.45870655 -27.00621148 15.4603447 -41 14 C-39.35497403 10.70994805 -35.7379402 10.3024861 -32.421875 9.1796875 C-31.65828674 8.91616486 -30.89469849 8.65264221 -30.10797119 8.38113403 C-28.48843619 7.82448471 -26.86760291 7.27160076 -25.24560547 6.72216797 C-22.77042363 5.88193308 -20.30113847 5.02586634 -17.83203125 4.16796875 C-16.25814352 3.6292403 -14.68393449 3.09144942 -13.109375 2.5546875 C-12.37273621 2.29847626 -11.63609741 2.04226501 -10.87713623 1.77828979 C-7.14640476 0.52711342 -3.9460582 -0.31611 0 0 Z " fill="#F3F3F3" transform="translate(3368,2946)"/>
<path d="M0 0 C1.65926578 0.23490249 3.31842636 0.47057185 4.97705078 0.70996094 C6.87829177 0.98255016 8.78090601 1.24551196 10.68359375 1.5078125 C19.02021313 2.87845336 24.22294568 4.63465095 30 11 C31.83107405 12.79397558 33.66448679 14.58556662 35.5 16.375 C37.02326837 17.89368021 38.53105724 19.42871286 40 21 C40 21.33 40 21.66 40 22 C37.14509764 21.88519969 34.2915412 21.75847036 31.4375 21.625 C30.63763672 21.5940625 29.83777344 21.563125 29.01367188 21.53125 C17.23289821 20.95423251 17.23289821 20.95423251 12.55859375 16.86328125 C11.85863281 16.02152344 11.15867187 15.17976563 10.4375 14.3125 C9.6846875 13.42175781 8.931875 12.53101562 8.15625 11.61328125 C7.4446875 10.75089844 6.733125 9.88851562 6 9 C4.81379255 7.66551661 3.62648975 6.33200503 2.4375 5 C0 2 0 2 0 0 Z " fill="#F6F6F6" transform="translate(1699,2772)"/>
<path d="M0 0 C0.8090391 2.31411582 1.15470845 3.56181816 0.32592773 5.90917969 C-0.23952759 6.90546387 -0.23952759 6.90546387 -0.81640625 7.921875 C-1.2438916 8.68798096 -1.67137695 9.45408691 -2.11181641 10.2434082 C-2.59054199 11.0705835 -3.06926758 11.89775879 -3.5625 12.75 C-4.29992432 14.05553833 -4.29992432 14.05553833 -5.05224609 15.38745117 C-6.68631224 18.26728297 -8.34085635 21.13454912 -10 24 C-10.5789502 25.00434082 -11.15790039 26.00868164 -11.75439453 27.04345703 C-15.79887204 34.05114921 -19.8887404 41.03132196 -24 48 C-24.48903809 48.83192871 -24.97807617 49.66385742 -25.48193359 50.52099609 C-26.75423144 52.68340491 -28.03183114 54.84254112 -29.3125 57 C-29.67939941 57.62302002 -30.04629883 58.24604004 -30.42431641 58.88793945 C-31.25445539 60.27602412 -32.12253161 61.64133927 -33 63 C-33.33 63 -33.66 63 -34 63 C-35.61969009 56.2150787 -36.55280077 50.07684269 -32.88671875 43.88671875 C-30.38461195 40.20368045 -27.62182429 36.72997395 -24.81738281 33.27392578 C-22.31032749 30.13707553 -19.96059404 26.89467916 -17.6003418 23.64672852 C-11.82276095 15.69949761 -5.91768427 7.84327994 0 0 Z " fill="#F5F5F5" transform="translate(1371,1818)"/>
<path d="M0 0 C1.73877975 5.06818018 3.46576819 10.14016548 5.18188477 15.21606445 C5.76751358 16.94275212 6.35636681 18.66834963 6.94848633 20.39282227 C7.79835662 22.86977031 8.63660658 25.35038956 9.47265625 27.83203125 C9.74030289 28.60400345 10.00794952 29.37597565 10.28370667 30.17134094 C12.11387171 35.65838488 12.11387171 35.65838488 11 39 C1.95410068 29.37523758 -7.0596034 19.72288941 -16 10 C-14.65458308 5.96374924 -12.14052535 5.14552047 -8.5625 3.3125 C-7.96373047 2.99216797 -7.36496094 2.67183594 -6.74804688 2.34179688 C-2.28914579 0 -2.28914579 0 0 0 Z " fill="#F4F4F4" transform="translate(2351,557)"/>
<path d="M0 0 C2.15494546 3.67060223 2.89813429 7.56539922 3.7265625 11.6875 C3.87910492 12.42701904 4.03164734 13.16653809 4.18881226 13.9284668 C4.50912555 15.48788842 4.82666452 17.04788216 5.14160156 18.60839844 C5.6236022 20.99308444 6.11580416 23.37549746 6.609375 25.7578125 C6.91988003 27.27591719 7.2297958 28.79414255 7.5390625 30.3125 C7.68590485 31.02301514 7.83274719 31.73353027 7.98403931 32.46557617 C8.6410101 35.74572865 9 38.63455506 9 42 C3.06 42 -2.88 42 -9 42 C-8.33791309 36.7033047 -7.6220939 31.93152012 -6.40625 26.796875 C-6.25466431 26.15179993 -6.10307861 25.50672485 -5.94689941 24.84210205 C-5.46849599 22.81045753 -4.9843346 20.78023773 -4.5 18.75 C-4.17540425 17.37508895 -3.85118256 16.00008953 -3.52734375 14.625 C-1.14094236 4.51089648 -1.14094236 4.51089648 0 0 Z " fill="#F6F6F6" transform="translate(3070,3240)"/>
<path d="M0 0 C-2.58232915 2.58232915 -5.1495056 3.47637361 -8.51953125 4.8984375 C-9.50115486 5.31278549 -9.50115486 5.31278549 -10.50260925 5.73550415 C-11.89449836 6.32126398 -13.28746103 6.90447826 -14.68139648 7.48535156 C-16.76964241 8.35710871 -18.8527158 9.24039801 -20.93554688 10.125 C-29.16965134 13.5916455 -37.40883891 16.51326364 -46 19 C-47.34965597 19.42732854 -48.69772011 19.85977443 -50.04296875 20.30078125 C-51.08066406 20.63464844 -52.11835937 20.96851563 -53.1875 21.3125 C-54.25355469 21.65925781 -55.31960938 22.00601562 -56.41796875 22.36328125 C-59 23 -59 23 -61 22 C-58.20926377 19.97787942 -55.41723238 17.95755401 -52.625 15.9375 C-51.85027344 15.37611328 -51.07554688 14.81472656 -50.27734375 14.23632812 C-48.67685889 13.07895271 -47.06976414 11.93067269 -45.45678711 10.79077148 C-43.82119931 9.59857865 -42.22386435 8.352041 -40.67016602 7.05493164 C-33.6612369 1.45685813 -27.49666324 0.82580483 -18.6875 0.5625 C-17.43904297 0.49869141 -16.19058594 0.43488281 -14.90429688 0.36914062 C-9.93357946 0.1266016 -4.9767677 -0.02823453 0 0 Z " fill="#F5F5F5" transform="translate(1858,1371)"/>
<path d="M0 0 C0.33 0.66 0.66 1.32 1 2 C-0.1291081 4.61255077 -1.32196359 7.10569175 -2.62109375 9.6328125 C-2.99984146 10.38464813 -3.37858917 11.13648376 -3.76881409 11.91110229 C-4.98427757 14.31957829 -6.21073026 16.72226638 -7.4375 19.125 C-8.26179573 20.75353796 -9.08537302 22.38243978 -9.90820312 24.01171875 C-11.93047923 28.01208752 -13.96263052 32.00729853 -16 36 C-20.04615381 36 -22.11088913 33.98772118 -25.1875 31.625 C-25.74630859 31.2125 -26.30511719 30.8 -26.88085938 30.375 C-28.29613379 29.30360789 -29.65344404 28.15657675 -31 27 C-31 26.34 -31 25.68 -31 25 C-28.93148695 23.23345966 -26.85372072 21.57669643 -24.6875 19.9375 C-23.39902923 18.94493185 -22.11127751 17.95142966 -20.82421875 16.95703125 C-20.17888184 16.46025879 -19.53354492 15.96348633 -18.86865234 15.45166016 C-12.44999672 10.46533583 -6.22957966 5.21937755 0 0 Z " fill="#F7F7F7" transform="translate(2151,3607)"/>
<path d="M0 0 C3.69302908 1.95382701 7.35083666 3.9654724 11 6 C12.13824219 6.62648438 13.27648438 7.25296875 14.44921875 7.8984375 C21.14550152 11.76197123 25.85540081 14.84470438 29 22 C29.38671875 22.82628906 29.7734375 23.65257813 30.171875 24.50390625 C31.15482104 26.65494227 32.09479231 28.81536468 33 31 C23.80589005 29.34951325 11.31531177 25.43254459 5.34033203 17.91064453 C2.26004914 12.4690869 0 6.2929773 0 0 Z " fill="#F5F5F5" transform="translate(1493,2608)"/>
<path d="M0 0 C0.66 0.33 1.32 0.66 2 1 C-13.45582788 15.43556958 -13.45582788 15.43556958 -20 21 C-20.88816406 21.76699219 -21.77632812 22.53398438 -22.69140625 23.32421875 C-42.27842649 40 -42.27842649 40 -48 40 C-47.64808594 39.54262451 -47.29617188 39.08524902 -46.93359375 38.61401367 C-45.28758847 36.47297123 -43.64379519 34.33023965 -42 32.1875 C-41.44699219 31.46884766 -40.89398437 30.75019531 -40.32421875 30.00976562 C-39.76347656 29.27822266 -39.20273438 28.54667969 -38.625 27.79296875 C-38.03146729 27.02887695 -37.43793457 26.26478516 -36.82641602 25.47753906 C-34.94328689 22.99107655 -34.94328689 22.99107655 -33.24975586 20.18652344 C-28.0358822 12.06426327 -22.50026814 9.14840212 -13.5625 5.875 C-11.20931146 4.95655876 -8.85642898 4.03733283 -6.50390625 3.1171875 C-5.47080322 2.73159668 -4.4377002 2.34600586 -3.37329102 1.94873047 C-1.08235244 1.21372409 -1.08235244 1.21372409 0 0 Z " fill="#F1F1F1" transform="translate(1635,1482)"/>
<path d="M0 0 C3.23684384 -0.04752299 6.46590842 -0.05397158 9.703125 -0.01171875 C12.62673564 0.02405026 15.50453385 -0.08384746 18.421875 -0.26953125 C35.24301002 -0.88862632 46.47665459 8.77002443 59 19 C53.37418954 18.42735039 48.26584987 17.36651397 42.875 15.6875 C41.36874336 15.22833335 39.86222925 14.77001051 38.35546875 14.3125 C37.61603027 14.08691406 36.8765918 13.86132812 36.11474609 13.62890625 C33.15645521 12.74913745 30.17064018 11.97829692 27.1875 11.1875 C17.85260177 8.55625968 8.94446793 4.71851707 0 1 C0 0.67 0 0.34 0 0 Z " fill="#EFEFEF" transform="translate(2287,1367)"/>
<path d="M0 0 C0 1.65 0 3.3 0 5 C-10.24906662 8.67004531 -20.63094359 11.55903745 -31.15307617 14.33544922 C-37.88930001 16.12587556 -44.55561794 18.04330601 -51.1875 20.1875 C-75.12766788 27.86785939 -75.12766788 27.86785939 -84 26 C-79.60182791 23.69856577 -75.01527332 22.24148945 -70.3125 20.6875 C-69.47138672 20.40455078 -68.63027344 20.12160156 -67.76367188 19.83007812 C-61.52867007 17.75787045 -55.24450102 15.87273609 -48.93792725 14.03283691 C-43.1689796 12.34899942 -37.41270026 10.62572409 -31.66015625 8.88671875 C-29.90169755 8.35610374 -28.143234 7.82550482 -26.38476562 7.29492188 C-23.691739 6.48202174 -20.99898754 5.66824988 -18.30688477 4.85229492 C-15.65455317 4.04877988 -13.00120724 3.24869607 -10.34765625 2.44921875 C-9.53635757 2.20241867 -8.7250589 1.95561859 -7.88917542 1.70133972 C-2.22735749 0 -2.22735749 0 0 0 Z " fill="#EAEAEA" transform="translate(3198,985)"/>
<path d="M0 0 C0.33 0 0.66 0 1 0 C0.37688115 8.96975401 -0.49931666 17.88481212 -1.5625 26.8125 C-1.70107422 27.99392578 -1.83964844 29.17535156 -1.98242188 30.39257812 C-2.3193173 33.26199774 -2.65853564 36.13112115 -3 39 C-7.46321565 38.47588939 -11.30099267 37.694099 -15.4375 35.9375 C-16.30246094 35.57527344 -17.16742187 35.21304688 -18.05859375 34.83984375 C-18.69925781 34.56269531 -19.33992188 34.28554687 -20 34 C-18.59487705 30.16839965 -16.80758143 26.88445548 -14.62890625 23.4375 C-13.97212891 22.39335937 -13.31535156 21.34921875 -12.63867188 20.2734375 C-11.95353516 19.19320312 -11.26839844 18.11296875 -10.5625 17 C-9.20931747 14.85436715 -7.8564418 12.70854074 -6.50390625 10.5625 C-5.90392822 9.61503906 -5.3039502 8.66757813 -4.68579102 7.69140625 C-3.54109272 5.86386766 -2.42780699 4.01635087 -1.34350586 2.15234375 C-0.90014893 1.44207031 -0.45679199 0.73179687 0 0 Z " fill="#F7F7F7" transform="translate(2641,3502)"/>
<path d="M0 0 C4.29467845 2.29258886 7.47211512 5.27157823 10.8125 8.75 C14.80552572 12.83117468 18.85707327 16.72159023 23.20703125 20.42578125 C25.66720175 22.58580023 27.92964924 24.91930274 30.22265625 27.25390625 C32.06593574 29.06477643 33.97822799 30.75321354 35.9375 32.4375 C40.17249602 36.08407192 44.09693984 40.00351553 48 44 C47.34 45.65 46.68 47.3 46 49 C41.90227343 47.39017885 39.23514706 44.42394174 36.25 41.3125 C33.01503401 37.96199951 29.74780812 34.74090778 26.2109375 31.70703125 C21.35002567 27.50881291 16.87846039 22.94994389 12.375 18.375 C7.4204703 13.34256889 2.53867317 8.39150461 -3 4 C-2.01 2.68 -1.02 1.36 0 0 Z " fill="#F4F4F4" transform="translate(2100,3125)"/>
<path d="M0 0 C3.13879381 1.3875818 5.22254795 2.99523408 7.609375 5.44921875 C8.28226563 6.13306641 8.95515625 6.81691406 9.6484375 7.52148438 C10.68871094 8.59366211 10.68871094 8.59366211 11.75 9.6875 C15.69860525 13.73744778 19.6267798 17.74044383 23.921875 21.42578125 C29.57334994 26.28602201 34.70864493 31.66383988 39.93359375 36.97265625 C43.52936227 40.60339172 47.12146956 44.17057357 51 47.5 C56.62812757 52.33132386 61.73436598 57.68997378 66.93359375 62.97265625 C70.51944514 66.59337815 74.1006897 70.15266825 77.96875 73.47265625 C82.89939473 77.70508031 87.43049277 82.32236789 92 86.9375 C92.87011719 87.81212891 93.74023438 88.68675781 94.63671875 89.58789062 C96.76013549 91.72297449 98.88116378 93.86037205 101 96 C98 96 98 96 95.80078125 94.05859375 C94.56908203 92.76115234 94.56908203 92.76115234 93.3125 91.4375 C90.236741 88.26338824 87.1714361 85.18596487 83.8125 82.3125 C80.63852518 79.59649349 77.70319202 76.72501863 74.77734375 73.74609375 C72.93406426 71.93522357 71.02177201 70.24678646 69.0625 68.5625 C65.53365237 65.52320349 62.26994973 62.28983153 59.00390625 58.97265625 C56.41753849 56.42662171 53.6846472 54.07978443 50.93359375 51.71484375 C48.43568444 49.4995262 46.11975011 47.1310183 43.78125 44.75 C41.91610326 42.91757513 39.98072254 41.20646865 38 39.5 C35.39352391 37.2544206 32.91065479 34.95448488 30.5 32.5 C28.10946833 30.06610268 25.64953738 27.78644441 23.0625 25.5625 C19.53785334 22.52682167 16.27763111 19.29775129 13.015625 15.984375 C10.36912197 13.37890303 7.58007018 10.96405644 4.765625 8.54296875 C2.75058361 6.78203656 0.85305602 4.93026669 -1 3 C-0.67 2.01 -0.34 1.02 0 0 Z " fill="#EAEAEA" transform="translate(995,2079)"/>
<path d="M0 0 C-0.87229248 0.5261792 -0.87229248 0.5261792 -1.76220703 1.06298828 C-15.55317968 9.39261704 -29.22641638 17.88231271 -42.77783203 26.59643555 C-43.87780518 27.29119995 -43.87780518 27.29119995 -45 28 C-46.29019043 28.82661133 -46.29019043 28.82661133 -47.60644531 29.66992188 C-50.58593706 31.32560028 -52.27090222 31.2051974 -55.625 30.8125 C-56.56601563 30.71582031 -57.50703125 30.61914062 -58.4765625 30.51953125 C-61 30 -61 30 -64 28 C-50.48487728 21.19381233 -36.96535541 14.40185843 -23.3125 7.875 C-22.40105225 7.43889404 -21.48960449 7.00278809 -20.55053711 6.5534668 C-18.84715404 5.74304875 -17.14115077 4.93810667 -15.43212891 4.13964844 C-13.78148515 3.36618879 -12.13804922 2.57719436 -10.50146484 1.77441406 C-9.71078613 1.39768555 -8.92010742 1.02095703 -8.10546875 0.6328125 C-7.4096167 0.2939502 -6.71376465 -0.04491211 -5.99682617 -0.39404297 C-3.61852956 -1.11576105 -2.3187159 -0.80072167 0 0 Z " fill="#F1F1F1" transform="translate(2299,2817)"/>
<path d="M0 0 C1.16571533 0.28762207 1.16571533 0.28762207 2.35498047 0.58105469 C3.57338623 0.90058105 3.57338623 0.90058105 4.81640625 1.2265625 C5.64285645 1.43700195 6.46930664 1.64744141 7.32080078 1.86425781 C9.84380956 2.51362955 12.36177225 3.17980603 14.87890625 3.8515625 C15.74451172 4.08101562 16.61011719 4.31046875 17.50195312 4.546875 C19.60719565 5.10517136 21.71186287 5.66563639 23.81640625 6.2265625 C20.46407144 8.2097332 17.65595465 8.59294199 13.79296875 8.859375 C12.60574219 8.94316406 11.41851563 9.02695313 10.1953125 9.11328125 C8.95652344 9.19191406 7.71773437 9.27054688 6.44140625 9.3515625 C5.24128906 9.43792969 4.04117188 9.52429687 2.8046875 9.61328125 C-8.32947167 10.36672059 -19.42562474 10.56678658 -30.55859375 9.7265625 C-31.82445312 9.63375 -33.0903125 9.5409375 -34.39453125 9.4453125 C-35.31492187 9.373125 -36.2353125 9.3009375 -37.18359375 9.2265625 C-34.19581354 7.23470903 -32.02663243 6.48316731 -28.59765625 5.53515625 C-27.50195312 5.23029297 -26.40625 4.92542969 -25.27734375 4.61132812 C-24.13265625 4.29873047 -22.98796875 3.98613281 -21.80859375 3.6640625 C-20.67164062 3.34759766 -19.5346875 3.03113281 -18.36328125 2.70507812 C-4.47979467 -1.13243489 -4.47979467 -1.13243489 0 0 Z " fill="#F1F1F1" transform="translate(2078.18359375,1330.7734375)"/>
<path d="M0 0 C0.43030518 0.57661377 0.86061035 1.15322754 1.30395508 1.74731445 C2.36666517 3.15880517 3.44154898 4.56130061 4.53393555 5.94995117 C17.65339776 23.08219025 17.5844097 38.4157992 16 59 C13.10930212 56.10930212 12.37461205 52.56973686 11.1875 48.75 C10.92541748 47.91388184 10.66333496 47.07776367 10.39331055 46.21630859 C7.60450428 37.07658005 5.54602449 27.79166947 3.53613281 18.45556641 C2.58009582 14.07677767 1.52531693 9.72162586 0.48046875 5.36328125 C0 3 0 3 0 0 Z " fill="#F4F4F4" transform="translate(2799,1871)"/>
<path d="M0 0 C2.31323756 3.46985635 3.00354005 6.7485612 3.875 10.75 C5.48515657 17.90026509 7.30020708 24.96305159 9.265625 32.0234375 C10 35 10 35 10 38 C4.72 38 -0.56 38 -6 38 C-5.50397991 30.65890264 -4.38441057 23.76719193 -2.765625 16.59375 C-1.59517672 11.09980908 -0.78508062 5.560218 0 0 Z " fill="#F3F3F3" transform="translate(1128,3263)"/>
<path d="M0 0 C3.82510234 1.42035371 7.21884485 3.19361998 10.7265625 5.2734375 C11.83249756 5.92787842 12.93843262 6.58231934 14.07788086 7.2565918 C15.26052542 7.96227304 16.44289314 8.66841842 17.625 9.375 C18.22249054 9.73115387 18.81998108 10.08730774 19.43557739 10.45425415 C23.63159146 12.95650558 27.81847168 15.47362536 32 18 C33.00885254 18.60924316 34.01770508 19.21848633 35.05712891 19.84619141 C37.69225932 21.44689443 40.31719423 23.06267017 42.9375 24.6875 C43.70465332 25.15526855 44.47180664 25.62303711 45.26220703 26.10498047 C49.30058149 28.6415182 52.24292297 31.00475783 55 35 C50.41206056 33.57077509 46.10086347 31.75320864 41.765625 29.69921875 C41.08755798 29.38096634 40.40949097 29.06271393 39.71087646 28.7348175 C38.28144809 28.06314219 36.85276892 27.38987036 35.42480469 26.71508789 C33.27182169 25.69781067 31.11661536 24.68538021 28.9609375 23.67382812 C26.20644224 22.38016762 23.45751147 21.07565818 20.71240234 19.76220703 C18.45336213 18.68187785 16.19054063 17.64073625 13.90087891 16.62451172 C8.52466497 14.1689297 5.6561117 12.20474083 2.875 6.75 C2.31554688 5.69296875 1.75609375 4.6359375 1.1796875 3.546875 C0 1 0 1 0 0 Z " fill="#F2F2F2" transform="translate(1537,2635)"/>
<path d="M0 0 C3 1 3 1 4.46704102 3.38232422 C4.97420654 4.4292041 5.48137207 5.47608398 6.00390625 6.5546875 C6.57447754 7.71709961 7.14504883 8.87951172 7.73291016 10.07714844 C8.0312677 10.69650269 8.32962524 11.31585693 8.63702393 11.95397949 C9.88331781 14.54092494 11.1508006 17.11726294 12.41784668 19.6940918 C13.05373376 20.98736348 13.6885799 22.28114749 14.3223877 23.57543945 C16.82898445 28.68591271 19.44110485 33.73095503 22.125 38.75 C26.41095028 46.79597379 30.48554045 54.93922711 34.54174805 63.10302734 C37.9720198 69.98993642 41.5071949 76.81067081 45.12304688 83.6015625 C49.4716611 91.81018261 53.59241228 100.13259775 57.71069336 108.45849609 C58.23928955 109.52406738 58.76788574 110.58963867 59.3125 111.6875 C59.78300781 112.64011719 60.25351563 113.59273437 60.73828125 114.57421875 C62.02450723 117.15394485 62.02450723 117.15394485 64 120 C63.505 121.485 63.505 121.485 63 123 C56.31453762 110.92760865 49.8065104 98.77409784 43.5 86.5 C39.12380943 77.98326841 34.69041529 69.50869824 30.0625 61.125 C24.42469773 50.90557911 19.07161047 40.54748451 13.74853516 30.16186523 C10.85666595 24.52207885 7.96211184 18.88697635 4.9453125 13.3125 C4.5124292 12.51175049 4.0795459 11.71100098 3.63354492 10.88598633 C2.86207459 9.46792339 2.08405727 8.05339331 1.2980957 6.64331055 C0.47289149 5.12626229 -0.27396688 3.56693118 -1 2 C-0.67 1.34 -0.34 0.68 0 0 Z " fill="#EBEBEB" transform="translate(1057,1727)"/>
<path d="M0 0 C1.65 0 3.3 0 5 0 C6.17877042 7.58820299 7.35264887 15.17714919 8.52036285 22.76706123 C9.06278637 26.2916962 9.60686368 29.81605894 10.15478516 33.33984375 C10.78526675 37.39507354 11.40843729 41.45139777 12.03125 45.5078125 C12.22811401 46.76739777 12.42497803 48.02698303 12.62780762 49.32473755 C12.89808777 51.09589432 12.89808777 51.09589432 13.17382812 52.90283203 C13.33371216 53.93763702 13.49359619 54.97244202 13.6583252 56.03860474 C14.00613159 59.05314425 14.05977403 61.96830495 14 65 C11.525 65.495 11.525 65.495 9 66 C8.03798383 59.17244315 7.07792708 52.3446127 6.11914062 45.51660156 C5.79373014 43.20078507 5.46789467 40.88502824 5.14160156 38.56933594 C3.33192295 25.72394848 1.54437932 12.8803667 0 0 Z " fill="#EFEFEF" transform="translate(1454,2918)"/>
<path d="M0 0 C12.21 0 24.42 0 37 0 C36.28257809 5.73937532 35.46550351 10.52878691 34 16 C26.26014033 13.66080593 19.18991479 10.36547181 11.9375 6.8125 C10.78572266 6.25369141 9.63394531 5.69488281 8.44726562 5.11914062 C5.62908723 3.75097933 2.8134543 2.37784257 0 1 C0 0.67 0 0.34 0 0 Z " fill="#F8F8F8" transform="translate(2986,3317)"/>
<path d="M0 0 C2.82598879 2.53712673 4.59923389 5.40332454 6.5546875 8.64453125 C7.06195374 9.48166405 7.06195374 9.48166405 7.57946777 10.33570862 C8.68239248 12.15868191 9.77887711 13.98543017 10.875 15.8125 C11.63599152 17.07452562 12.39722408 18.33640594 13.15869141 19.59814453 C15.44680812 23.3941772 17.7249614 27.19611819 20 31 C20.66644531 32.11391113 21.33289062 33.22782227 22.01953125 34.37548828 C23.80922001 37.37266115 25.59392677 40.3727006 27.375 43.375 C27.90335449 44.26421143 28.43170898 45.15342285 28.97607422 46.06958008 C31.48045382 50.31368408 33.87148151 54.55472669 36 59 C33.03 59.495 33.03 59.495 30 60 C29.66379639 59.40276123 29.32759277 58.80552246 28.98120117 58.19018555 C23.05232049 47.66393143 17.11195245 37.14504767 11.0625 26.6875 C10.38743408 25.51453369 10.38743408 25.51453369 9.69873047 24.31787109 C7.34106199 20.2388142 4.88203817 16.26286475 2.3125 12.3125 C-0.32089772 8.0190808 -0.5524453 4.97200769 0 0 Z " fill="#EFEFEF" transform="translate(3377,2832)"/>
<path d="M0 0 C3.38958291 0.88907093 6.66968868 1.91394637 10 3 C10.68658691 3.19432617 11.37317383 3.38865234 12.08056641 3.58886719 C28.33968839 8.30686875 35.98561639 18.09284804 45 32 C44.505 32.99 44.505 32.99 44 34 C40.6361929 31.75087762 37.27756725 29.49422488 33.9230957 27.23120117 C32.78704549 26.46621702 31.64972185 25.70311978 30.51098633 24.94213867 C19.77809927 17.76632863 9.31935533 9.97221602 0 1 C0 0.67 0 0.34 0 0 Z " fill="#F3F3F3" transform="translate(2514,1476)"/>
<path d="M0 0 C1.20849609 0.02707031 2.41699219 0.05414062 3.66210938 0.08203125 C6.63076181 0.15243407 9.59568947 0.25086567 12.5625 0.375 C4.54967145 8.54273385 -1.24216711 13.11523816 -13.0078125 13.3984375 C-14.70550781 13.38683594 -14.70550781 13.38683594 -16.4375 13.375 C-17.46617188 13.38789062 -18.49484375 13.40078125 -19.5546875 13.4140625 C-21.85111431 13.43357888 -24.14165632 13.42260966 -26.4375 13.375 C-25.59106901 12.32703782 -24.73473808 11.28707308 -23.875 10.25 C-23.39933594 9.66992188 -22.92367188 9.08984375 -22.43359375 8.4921875 C-21.77488281 7.79351563 -21.11617187 7.09484375 -20.4375 6.375 C-20.00703369 5.85760254 -19.57656738 5.34020508 -19.13305664 4.80712891 C-13.5958094 -1.01330726 -7.61271923 -0.3239455 0 0 Z " fill="#F5F5F5" transform="translate(1824.4375,1346.625)"/>
<path d="M0 0 C0.66 0 1.32 0 2 0 C1.43066369 8.51460169 0.04637328 16.75261002 -1.58984375 25.12109375 C-1.8532369 26.48917172 -2.11614322 27.85734349 -2.37860107 29.2256012 C-3.08027389 32.876466 -3.78844991 36.52603929 -4.49813461 40.175354 C-5.23561037 43.97237095 -5.96781698 47.77040356 -6.70043945 51.56835938 C-7.59351259 56.19649268 -8.48717936 60.82450781 -9.3835907 65.45199585 C-11.28435216 75.26704683 -13.15953119 85.08655794 -15.015625 94.91015625 C-15.69254741 98.48031372 -16.36998399 102.05037317 -17.04763794 105.62039185 C-17.47258937 107.86489016 -17.89567941 110.10974173 -18.31686401 112.35494995 C-18.89723239 115.44602284 -19.48485221 118.5356322 -20.07421875 121.625 C-20.2413739 122.52593887 -20.40852905 123.42687775 -20.58074951 124.3551178 C-20.73932434 125.17894455 -20.89789917 126.0027713 -21.0612793 126.8515625 C-21.26227486 127.91624756 -21.26227486 127.91624756 -21.46733093 129.00244141 C-22.04950016 131.18563019 -22.92756039 133.01682725 -24 135 C-23.49901032 125.94666784 -22.26927904 117.2606995 -20.5 108.375 C-19.95307169 105.55699261 -19.41354322 102.73758937 -18.875 99.91796875 C-18.72881226 99.15464737 -18.58262451 98.39132599 -18.43200684 97.60487366 C-16.34612408 86.65211837 -14.43206268 75.66820281 -12.5 64.6875 C-12.30727509 63.59523102 -12.11455017 62.50296204 -11.91598511 61.37759399 C-9.95925108 50.28669959 -8.02036808 39.19346671 -6.16015625 28.0859375 C-6.02116913 27.25957291 -5.88218201 26.43320831 -5.73898315 25.58180237 C-5.10153451 21.79045285 -4.47008876 17.99834063 -3.8515625 14.20385742 C-3.63175846 12.8871656 -3.41172194 11.57051256 -3.19140625 10.25390625 C-3.00779541 9.13314697 -2.82418457 8.0123877 -2.63500977 6.85766602 C-2.05730529 4.25788481 -1.32056066 2.2959154 0 0 Z " fill="#D4D4D4" transform="translate(1496,1175)"/>
<path d="M0 0 C1.86785156 0.01353516 1.86785156 0.01353516 3.7734375 0.02734375 C5.18496094 0.04474609 5.18496094 0.04474609 6.625 0.0625 C6.295 0.7225 5.965 1.3825 5.625 2.0625 C3.10287383 2.77653965 0.63568868 3.36828776 -1.92578125 3.90234375 C-2.69496384 4.06996719 -3.46414642 4.23759064 -4.25663757 4.41029358 C-6.73194497 4.94817561 -9.20953963 5.47448865 -11.6875 6 C-14.11893009 6.52272968 -16.54982162 7.04787275 -18.98043823 7.57437134 C-20.56422547 7.9169867 -22.14847446 8.25747472 -23.73318481 8.59579468 C-29.18085486 9.76784147 -34.55913923 11.11591185 -39.91870117 12.64672852 C-44.77892891 13.46940696 -48.43450094 11.71155951 -52.6875 9.5 C-53.57050781 9.04496094 -54.45351562 8.58992188 -55.36328125 8.12109375 C-56.02714844 7.77175781 -56.69101563 7.42242188 -57.375 7.0625 C-57.375 6.7325 -57.375 6.4025 -57.375 6.0625 C-56.07353027 5.91627197 -54.77206055 5.77004395 -53.43115234 5.61938477 C-48.58917343 5.07493169 -43.74743341 4.52837899 -38.90576172 3.98120117 C-36.81272709 3.74495349 -34.71962864 3.50927047 -32.62646484 3.27416992 C-29.61278482 2.93557832 -26.59934233 2.5949373 -23.5859375 2.25390625 C-22.65445892 2.14969864 -21.72298035 2.04549103 -20.76327515 1.93812561 C-3.4197039 -0.03226136 -3.4197039 -0.03226136 0 0 Z " fill="#EEEEEE" transform="translate(2044.375,2846.9375)"/>
<path d="M0 0 C1.32 0 2.64 0 4 0 C3.3805277 4.31331259 2.75341807 8.6254824 2.125 12.9375 C1.95097656 14.14986328 1.77695313 15.36222656 1.59765625 16.61132812 C0.76112828 22.32760256 -0.14577685 27.96582436 -1.46875 33.58911133 C-2.97246417 40.41318184 -4.0340278 47.33975149 -5.23242188 54.22265625 C-5.44576172 55.43566406 -5.65910156 56.64867188 -5.87890625 57.8984375 C-6.0704126 58.99849121 -6.26191895 60.09854492 -6.45922852 61.23193359 C-7 64 -7 64 -8 67 C-9.32 67 -10.64 67 -12 67 C-11.513473 56.31776564 -9.68231866 46.09399475 -7.625 35.625 C-7.3170584 34.02877108 -7.00976392 32.43241718 -6.703125 30.8359375 C-5.957854 26.96658581 -5.20125173 23.09957696 -4.43908691 19.23352051 C-4.00226549 17.01152397 -3.57061584 14.78856817 -3.13964844 12.56542969 C-2.87193569 11.19722826 -2.60404151 9.82906231 -2.3359375 8.4609375 C-2.10181152 7.26001465 -1.86768555 6.0590918 -1.62646484 4.82177734 C-1 2 -1 2 0 0 Z " fill="#F0F0F0" transform="translate(1219,2670)"/>
<path d="M0 0 C3.45201639 1.47721422 5.64961936 3.43794001 8.25 6.125 C8.95640625 6.84945312 9.6628125 7.57390625 10.390625 8.3203125 C11.18726562 9.15175781 11.18726562 9.15175781 12 10 C9.48331341 12.83174045 6.66970806 14.47425937 3.37890625 16.3203125 C2.27869141 16.93777344 1.17847656 17.55523438 0.04492188 18.19140625 C-1.10427734 18.82949219 -2.25347656 19.46757813 -3.4375 20.125 C-5.15549805 21.09373047 -5.15549805 21.09373047 -6.90820312 22.08203125 C-16.2408099 27.29169003 -16.2408099 27.29169003 -20 28 C-14.87333748 19.52912384 -9.0991664 11.7732383 -3 4 C-1.99546355 2.67008109 -0.99327948 1.33834736 0 0 Z " fill="#F6F6F6" transform="translate(2298,548)"/>
<path d="M0 0 C3.1437472 4.71562081 1.30443667 9.44947115 0.26318359 14.75268555 C-0.02218262 16.0344165 -0.30754883 17.31614746 -0.6015625 18.63671875 C-0.7589389 19.34679581 -0.91631531 20.05687286 -1.07846069 20.78846741 C-1.58989471 23.08907709 -2.1071458 25.38832768 -2.625 27.6875 C-2.98179932 29.28352228 -3.33856984 30.87955099 -3.6953125 32.47558594 C-6.95979314 47.02519937 -10.4296446 61.52247932 -14 76 C-15.65 76 -17.3 76 -19 76 C-17.4025989 69.31827257 -15.80322526 62.63701928 -14.20263672 55.95605469 C-13.66119334 53.69508937 -13.12016108 51.43402555 -12.57958984 49.17285156 C-9.65177209 36.92726745 -6.69844979 24.68841871 -3.6640625 12.46875 C-3.28439835 10.9306366 -3.28439835 10.9306366 -2.89706421 9.3614502 C-2.66242462 8.42168335 -2.42778503 7.4819165 -2.18603516 6.51367188 C-1.98048004 5.68734253 -1.77492493 4.86101318 -1.56314087 4.00964355 C-1 2 -1 2 0 0 Z " fill="#EAEAEA" transform="translate(3063,3206)"/>
<path d="M0 0 C0.99 0 1.98 0 3 0 C5.18546469 15.20430161 7.36761459 30.40907632 9.54594994 45.61440086 C10.55774151 52.67642379 11.5705677 59.73829527 12.5859375 66.79980469 C13.47219281 72.9633916 14.35639708 79.12726888 15.23826277 85.29148543 C15.70412797 88.54738258 16.17124108 91.80309229 16.6402092 95.05854416 C18.6505892 109.01879302 20.57841162 122.96624504 22 137 C19.36239962 134.36239962 19.43218503 132.60521015 18.88671875 128.9296875 C18.69327881 127.65697998 18.49983887 126.38427246 18.30053711 125.07299805 C18.09609949 123.67367879 17.89175638 122.27434572 17.6875 120.875 C17.47034059 119.42931419 17.25230972 117.98375904 17.03344727 116.53833008 C16.5782335 113.52782899 16.12681261 110.51679319 15.67773438 107.50537109 C15.03861237 103.23619647 14.37595278 98.97101073 13.703125 94.70703125 C13.59805634 94.04105927 13.49298767 93.37508728 13.38473511 92.68893433 C13.17409307 91.35454351 12.96338989 90.02016235 12.75262451 88.68579102 C10.96712326 77.36343756 9.25091706 66.03200461 7.59838867 54.68945312 C6.5882119 47.81191342 5.52024951 40.94528425 4.41796875 34.08203125 C4.28048721 33.22343506 4.14300568 32.36483887 4.00135803 31.48022461 C3.3168505 27.20766112 2.62739207 22.93599545 1.92993164 18.66552734 C1.67705891 17.09345458 1.4243651 15.52135302 1.171875 13.94921875 C1.05333664 13.23474075 0.93479828 12.52026276 0.81266785 11.78413391 C0.18058896 7.81489906 -0.11756431 4.0179562 0 0 Z " fill="#E6E6E6" transform="translate(1230,1414)"/>
<path d="M0 0 C1.00229368 2.14478916 2.00192855 4.29074722 3 6.4375 C3.556875 7.63246094 4.11375 8.82742188 4.6875 10.05859375 C6 13 6 13 6 14 C1.3569744 14.88237635 -3.28774925 15.75492777 -7.93432617 16.6184082 C-9.51491064 16.91356098 -11.09499655 17.21139676 -12.67456055 17.51196289 C-14.94454359 17.94342369 -17.21614226 18.36521722 -19.48828125 18.78515625 C-20.19463211 18.92156021 -20.90098297 19.05796417 -21.6287384 19.19850159 C-24.90056563 19.79395753 -26.78887114 20.07037629 -30 19 C-28.87763152 18.20699253 -27.75522785 17.41403488 -26.6328125 16.62109375 C-25.91625488 16.11481445 -25.19969727 15.60853516 -24.46142578 15.08691406 C-22.90058782 13.98503097 -21.33906096 12.88412309 -19.77685547 11.78417969 C-16.42183143 9.42144725 -13.06799931 7.05908307 -9.75 4.64453125 C-8.88375 4.01933594 -8.0175 3.39414062 -7.125 2.75 C-6.01511719 1.93789063 -6.01511719 1.93789063 -4.8828125 1.109375 C-3 0 -3 0 0 0 Z " fill="#F5F5F5" transform="translate(2787,704)"/>
<path d="M0 0 C2.81843822 2.47974403 4.27964862 5.16327063 5.96875 8.49609375 C6.5344873 9.60235107 7.10022461 10.7086084 7.68310547 11.84838867 C7.97940857 12.43381439 8.27571167 13.01924011 8.58099365 13.62240601 C10.13788843 16.69736883 11.71332759 19.76278447 13.2890625 22.828125 C13.76208298 23.74938423 13.76208298 23.74938423 14.24465942 24.68925476 C17.02107865 30.07910977 19.9220737 35.39286998 22.875 40.6875 C26.37689735 46.97837486 29.7027538 53.3179849 32.87255859 59.78173828 C35.76206973 65.62639811 38.86635626 71.34566498 42 77.0625 C42.5170752 78.00601318 43.03415039 78.94952637 43.56689453 79.92163086 C44.57857084 81.76598965 45.59060479 83.61015231 46.60302734 85.45410156 C52.4662555 96.13948136 57.96198105 106.9006145 63 118 C62.01 118.33 61.02 118.66 60 119 C59.47269287 117.97044189 58.94538574 116.94088379 58.40209961 115.88012695 C55.91460729 111.02388864 53.42625108 106.16809333 50.9375 101.3125 C50.25149719 99.97409058 50.25149719 99.97409058 49.55163574 98.60864258 C43.97348162 87.72736528 38.38009451 76.85450415 32.75 66 C26.40086105 53.74003093 20.08278837 41.46406745 13.78625488 29.17700195 C12.68346044 27.02651632 11.57922435 24.87676935 10.47351074 22.7277832 C8.91846249 19.7046594 7.36875677 16.67885424 5.8203125 13.65234375 C5.34814301 12.73702377 4.87597351 11.8217038 4.38949585 10.87864685 C3.74060898 9.60634972 3.74060898 9.60634972 3.07861328 8.30834961 C2.69971954 7.56975204 2.32082581 6.83115448 1.93045044 6.07017517 C1.02534098 4.05638158 0.46074722 2.15470657 0 0 Z " fill="#DFDFDF" transform="translate(1692,2945)"/>
<path d="M0 0 C-3.23181521 3.49645517 -6.85242237 6.14947843 -10.8125 8.75 C-11.40353516 9.16121094 -11.99457031 9.57242188 -12.60351562 9.99609375 C-18.11817997 13.61640775 -22.25139733 13.48150704 -28.74609375 12.34375 C-29.96425781 12.0653125 -31.18242187 11.786875 -32.4375 11.5 C-33.67371094 11.2215625 -34.90992187 10.943125 -36.18359375 10.65625 C-37.11300781 10.4396875 -38.04242187 10.223125 -39 10 C-27.00850699 0.35202212 -15.12375492 -3.33901083 0 0 Z " fill="#F5F5F5" transform="translate(2239,2853)"/>
<path d="M0 0 C3.8467988 0.61340259 6.92159805 1.76541926 10.41015625 3.484375 C11.46960449 4.00153076 12.52905273 4.51868652 13.62060547 5.05151367 C14.75643066 5.61201416 15.89225586 6.17251465 17.0625 6.75 C19.48227197 7.9300736 21.90266012 9.10876483 24.32421875 10.28515625 C25.25974579 10.74037407 25.25974579 10.74037407 26.21417236 11.20478821 C33.23083242 14.61172368 40.29875379 17.90657039 47.375 21.1875 C48.56230713 21.73954102 49.74961426 22.29158203 50.97290039 22.86035156 C55.61489131 25.0103263 60.23387565 27.13747018 65 29 C60.33503003 32.10997998 56.45753248 31.99580569 51 31 C46.28997763 28.97982453 42.0315692 26.37915957 37.68847656 23.67089844 C34.47286933 21.67238628 31.23355897 19.71410398 27.9921875 17.7578125 C23.647939 15.13365803 19.30938383 12.5006827 14.97953796 9.85282898 C10.02699549 6.82475183 5.06607913 3.83432621 0 1 C0 0.67 0 0.34 0 0 Z " fill="#F1F1F1" transform="translate(1868,2815)"/>
<path d="M0 0 C0.02480683 4.18090413 0.04291049 8.36176872 0.05493164 12.54272461 C0.05994565 13.96363064 0.06675852 15.38453156 0.07543945 16.80541992 C0.08763388 18.85336576 0.09325772 20.9012431 0.09765625 22.94921875 C0.10289307 24.17987061 0.10812988 25.41052246 0.11352539 26.6784668 C0.01393817 29.59219619 -0.32200678 32.17307326 -1 35 C-4.05302432 30.42046352 -6.05280528 25.37142109 -8.27783203 20.34790039 C-9.12444715 18.4387467 -9.97795764 16.53277984 -10.83203125 14.62695312 C-11.36441406 13.42876953 -11.89679687 12.23058594 -12.4453125 10.99609375 C-12.93531738 9.89450928 -13.42532227 8.7929248 -13.93017578 7.65795898 C-15 5 -15 5 -15 3 C-12.68776101 2.49876626 -10.37523045 1.99895642 -8.0625 1.5 C-6.13083984 1.08234375 -6.13083984 1.08234375 -4.16015625 0.65625 C-1 0 -1 0 0 0 Z " fill="#F0F0F0" transform="translate(2835,728)"/>
<path d="M0 0 C0.83986084 1.93467942 1.67168027 3.87285129 2.5 5.8125 C2.9640625 6.89144531 3.428125 7.97039063 3.90625 9.08203125 C5 12 5 12 5 15 C0.62373919 16.02401314 -3.7544749 17.03901864 -8.13476562 18.0456543 C-9.62524969 18.38952469 -11.11516503 18.7358698 -12.60449219 19.0847168 C-14.74270008 19.585103 -16.8827811 20.07661584 -19.0234375 20.56640625 C-19.69120209 20.72468399 -20.35896667 20.88296173 -21.04696655 21.04603577 C-25.77225659 22.11387171 -25.77225659 22.11387171 -28 21 C-24.07549984 17.80540128 -20.14901058 14.61329141 -16.21875 11.42578125 C-13.73324099 9.40991784 -11.25263573 7.38861457 -8.78125 5.35546875 C-7.9046875 4.64003906 -7.028125 3.92460937 -6.125 3.1875 C-5.36445313 2.56230469 -4.60390625 1.93710938 -3.8203125 1.29296875 C-2 0 -2 0 0 0 Z " fill="#F5F5F5" transform="translate(3580,2477)"/>
<path d="M0 0 C29.04 0 58.08 0 88 0 C83.86099463 3.10425403 83.21794337 3.37824418 78.40307617 3.43237305 C76.71301704 3.46206429 76.71301704 3.46206429 74.98881531 3.49235535 C73.15937126 3.50194023 73.15937126 3.50194023 71.29296875 3.51171875 C69.38563713 3.53864555 69.38563713 3.53864555 67.43977356 3.56611633 C64.04386945 3.61117308 60.64832678 3.64337903 57.2522583 3.66955566 C53.88611042 3.69881008 50.52027086 3.74597693 47.15429688 3.79101562 C31.76954339 3.98468373 16.38580877 4.04295845 1 4 C0.67 2.68 0.34 1.36 0 0 Z " fill="#F4F4F4" transform="translate(1153,3314)"/>
<path d="M0 0 C5.54418107 4.02224901 10.80234903 8.31807276 16.01074219 12.76123047 C19.45297062 15.69631841 22.92409353 18.58739151 26.4375 21.4375 C31.29209812 25.3876024 36.04865359 29.44184217 40.77758789 33.54077148 C43.58483176 35.96593448 46.4077974 38.34658998 49.3359375 40.625 C50.33882812 41.40875 51.34171875 42.1925 52.375 43 C53.26960938 43.680625 54.16421875 44.36125 55.0859375 45.0625 C57 47 57 47 57 51 C53.04217714 51 52.33275838 49.75270073 49.5 47.0625 C45.96616051 43.77961433 42.38885165 40.64153618 38.625 37.625 C34.61175357 34.3804881 30.77568562 31.01269042 27 27.5 C20.78656467 21.72048062 14.24934269 16.3759052 7.60546875 11.09765625 C3.52360603 7.73655487 1.0579698 5.42209521 0 0 Z " fill="#EDEDED" transform="translate(3542,2364)"/>
<path d="M0 0 C2.73030215 2.45974093 4.41612421 5.15697325 6.265625 8.3203125 C6.90040771 9.39982178 7.53519043 10.47933105 8.18920898 11.59155273 C8.52443573 12.16638397 8.85966248 12.74121521 9.20504761 13.33346558 C10.63183028 15.77963469 12.06893124 18.21968642 13.50535583 20.66020203 C14.2476987 21.92171153 14.98952517 23.18352504 15.73085022 24.44563293 C19.26616999 30.46308801 22.84399804 36.45461158 26.4375 42.4375 C27.04118408 43.44280762 27.64486816 44.44811523 28.2668457 45.48388672 C33.13753937 53.58443073 38.03315423 61.66980139 42.9375 69.75 C43.45846756 70.60850052 43.45846756 70.60850052 43.98995972 71.48434448 C45.00188297 73.15134808 46.01460798 74.8178649 47.02734375 76.484375 C47.99776611 78.0921582 47.99776611 78.0921582 48.98779297 79.73242188 C50.38877073 82.00743842 51.80901106 84.24389159 53.28173828 86.47070312 C53.65359756 87.04371155 54.02545685 87.61671997 54.40858459 88.20709229 C55.43932067 89.79135559 56.48587699 91.36529392 57.53344727 92.93847656 C59.25120641 96.52440959 59.27529584 99.07142073 59 103 C54.90411264 98.34558255 52.10974862 93.0821735 49.125 87.6875 C44.53350582 79.47536294 39.88141955 71.30527538 35.125 63.1875 C29.56312888 53.69001317 24.05087173 44.16524058 18.56860352 34.62158203 C15.47476525 29.24711046 12.35191458 23.89354985 9.1640625 18.57421875 C8.55763916 17.56053223 7.95121582 16.5468457 7.32641602 15.50244141 C6.1764887 13.58584283 5.02098555 11.67257529 3.85913086 9.76318359 C3.35003174 8.91449707 2.84093262 8.06581055 2.31640625 7.19140625 C1.86724854 6.45092041 1.41809082 5.71043457 0.95532227 4.94750977 C0 3 0 3 0 0 Z " fill="#E7E7E7" transform="translate(3296,2697)"/>
<path d="M0 0 C1.3921875 1.2065625 1.3921875 1.2065625 2.8125 2.4375 C6.93547585 5.98830777 11.18720251 9.37202349 15.44921875 12.75390625 C21.53854264 18.11586833 23.48102038 23.52427786 25.8125 31.125 C26.13669922 32.12660156 26.46089844 33.12820313 26.79492188 34.16015625 C29.12993449 41.61019652 29.12993449 41.61019652 28 45 C19.98459543 34.72025285 12.67956037 24.21467464 6.125 12.9375 C5.51253418 11.88498047 4.90006836 10.83246094 4.26904297 9.74804688 C0 2.28243681 0 2.28243681 0 0 Z " fill="#F1F1F1" transform="translate(2693,1652)"/>
<path d="M0 0 C0.66 0 1.32 0 2 0 C3.2530313 1.55351843 4.42642947 3.17150923 5.5625 4.8125 C16.73415404 20.5251501 30.04435881 34.20777807 43.6875 47.75 C44.89021165 48.94767802 46.09268679 50.1455936 47.29492188 51.34375 C50.193909 54.23189879 53.09602993 57.11686185 56 60 C55.67 60.99 55.34 61.98 55 63 C52.10151283 61.67743163 49.92832707 60.22062138 47.6015625 58.05078125 C46.96452393 57.45797363 46.32748535 56.86516602 45.67114258 56.25439453 C44.99591553 55.61356934 44.32068848 54.97274414 43.625 54.3125 C42.91819092 53.64331543 42.21138184 52.97413086 41.4831543 52.28466797 C25.82960674 37.32632775 10.94120649 20.80829755 0 2 C0 1.34 0 0.68 0 0 Z " fill="#EAEAEA" transform="translate(930,2009)"/>
<path d="M0 0 C0.66 0.33 1.32 0.66 2 1 C1.33355469 1.77601563 0.66710938 2.55203125 -0.01953125 3.3515625 C-4.98808724 9.16505526 -9.85938268 15.03176081 -14.5625 21.0625 C-15.01939209 21.63991943 -15.47628418 22.21733887 -15.94702148 22.81225586 C-18.18690682 25.64616149 -20.36760765 28.49840898 -22.45703125 31.4453125 C-26.68875451 37.22096221 -29.94535216 40.57941095 -37.125 42.25 C-39.07668437 42.54748538 -41.0344465 42.81515171 -43 43 C-38.5909418 37.72554436 -33.94867252 32.80185349 -29.08203125 27.94921875 C-28.34297043 27.2092012 -27.60390961 26.46918365 -26.842453 25.70674133 C-25.29146042 24.15507235 -23.73922074 22.604649 -22.18579102 21.05541992 C-19.80564031 18.68065584 -17.43091232 16.30056219 -15.05664062 13.91992188 C-13.54459163 12.40853316 -12.03223275 10.8974544 -10.51953125 9.38671875 C-9.81012894 8.67529221 -9.10072662 7.96386566 -8.36982727 7.23088074 C-7.70871445 6.57292007 -7.04760162 5.91495941 -6.36645508 5.23706055 C-5.78720779 4.65860886 -5.20796051 4.08015717 -4.61116028 3.48417664 C-3 2 -3 2 0 0 Z " fill="#F6F6F6" transform="translate(2521,2706)"/>
<path d="M0 0 C15.49105802 -0.1376813 30.90241896 0.26473782 46.375 1 C48.49086458 1.09681063 50.60675001 1.19316664 52.72265625 1.2890625 C57.81535834 1.52083363 62.90774361 1.75864258 68 2 C67.67 3.65 67.34 5.3 67 7 C61.04493371 6.73501324 55.08994237 6.4684138 49.13500977 6.20043945 C47.11712507 6.10984709 45.09922191 6.01966485 43.08129883 5.92993164 C37.28858745 5.67218982 31.49661083 5.40253935 25.70489502 5.12335205 C23.12895673 5.00588085 20.55301 4.9084852 17.97607422 4.81591797 C16.46189826 4.75134603 14.94773704 4.68642733 13.43359375 4.62109375 C12.13349365 4.57267334 10.83339355 4.52425293 9.49389648 4.47436523 C5.7718525 3.96902449 3.23633681 2.8651397 0 1 C0 0.67 0 0.34 0 0 Z " fill="#E9E9E9" transform="translate(3410,1406)"/>
<path d="M0 0 C0.495 0.99 0.495 0.99 1 2 C-5.80426118 5.62337344 -12.81647996 8.26550702 -20.0625 10.875 C-21.3493793 11.34120799 -22.63616058 11.80768659 -23.92285156 12.27441406 C-26.72964075 13.29150131 -29.53764677 14.30515414 -32.34619141 15.31738281 C-36.52391279 16.8249919 -40.69532548 18.34950617 -44.86595154 19.87661743 C-48.4439654 21.18530419 -52.02443731 22.48717071 -55.60543823 23.78765869 C-57.36847513 24.42921801 -59.13062451 25.07322151 -60.89187622 25.71966553 C-63.36807513 26.62761195 -65.84758175 27.52587798 -68.328125 28.421875 C-69.07571579 28.69836884 -69.82330658 28.97486267 -70.59355164 29.25973511 C-72.37592715 29.89800043 -74.1862972 30.45711212 -76 31 C-76.66 30.67 -77.32 30.34 -78 30 C-78 29.01 -78 28.02 -78 27 C-66.33446512 22.56298296 -54.57446163 18.47672082 -42.7244873 14.5592041 C-32.66676889 11.23401495 -22.63611336 7.83805129 -12.625 4.375 C-11.98282532 4.15290863 -11.34065063 3.93081726 -10.67901611 3.70199585 C-7.11858956 2.470168 -3.55893574 1.23612801 0 0 Z " fill="#E6E6E6" transform="translate(1684,3520)"/>
<path d="M0 0 C1.9587043 0.14076315 3.91696093 0.2877676 5.875 0.4375 C7.51082031 0.55931641 7.51082031 0.55931641 9.1796875 0.68359375 C12 1 12 1 14 2 C13.33782183 8.0207277 11.16385259 13.42789969 9.0625 19.0625 C8.52206055 20.53299805 8.52206055 20.53299805 7.97070312 22.03320312 C6.36860522 26.37922561 4.73366716 30.70452359 3 35 C2.67 35 2.34 35 2 35 C1.66082869 30.85462295 1.32973047 26.70863782 1 22.5625 C0.90460937 21.39783203 0.80921875 20.23316406 0.7109375 19.03320312 C0.20861638 12.66448898 -0.1093176 6.38824697 0 0 Z " fill="#F4F4F4" transform="translate(3222,1047)"/>
<path d="M0 0 C0.99 0.33 1.98 0.66 3 1 C1.67977581 4.45064709 0.17793551 7.68240276 -1.58203125 10.9296875 C-2.35268921 12.35390015 -2.35268921 12.35390015 -3.13891602 13.80688477 C-3.69119873 14.81936279 -4.24348145 15.83184082 -4.8125 16.875 C-5.38347412 17.92550537 -5.95444824 18.97601074 -6.54272461 20.05834961 C-13.85662902 33.46900792 -21.41565581 46.74103858 -29 60 C-30.32 59.34 -31.64 58.68 -33 58 C-29.11646974 50.0120752 -24.95816789 42.26882786 -20.4375 34.625 C-19.84050293 33.60857422 -19.24350586 32.59214844 -18.62841797 31.54492188 C-16.75655532 28.36073944 -14.87886053 25.18005747 -13 22 C-11.73301706 19.85159544 -10.46608926 17.70315836 -9.19921875 15.5546875 C-6.1379472 10.36674589 -3.07124177 5.18204493 0 0 Z " fill="#EDEDED" transform="translate(1078,2358)"/>
<path d="M0 0 C2 1 2 1 2.60513306 2.80183411 C4.02283956 10.69399658 2.54297028 16.22961087 -1.0859375 23.26953125 C-1.50291901 24.11295578 -1.91990051 24.95638031 -2.34951782 25.82536316 C-3.67480396 28.4963785 -5.02429481 31.15426395 -6.375 33.8125 C-7.27507181 35.61572162 -8.17352547 37.4197519 -9.0703125 39.22460938 C-11.04479699 43.1903144 -13.03445766 47.14794489 -15.03817749 51.09895325 C-16.03179104 53.06283515 -17.01714493 55.03071503 -18 57 C-19.54498369 53.0553864 -18.38529959 50.47296735 -16.97265625 46.6015625 C-16.74846008 45.97789291 -16.52426392 45.35422333 -16.29327393 44.71165466 C-15.55979765 42.6789382 -14.8113341 40.65210323 -14.0625 38.625 C-13.55592073 37.23008605 -13.05031069 35.83481975 -12.5456543 34.43920898 C-11.28038121 30.94713417 -10.00322251 27.45954179 -8.72290039 23.97296143 C-7.63522918 21.00445655 -6.55975327 18.03157022 -5.484375 15.05859375 C-3.66627186 10.03535646 -1.8370438 5.01634023 0 0 Z " fill="#EDEDED" transform="translate(2845,2171)"/>
<path d="M0 0 C0.495 0.99 0.495 0.99 1 2 C-11.65309257 6.1850171 -24.35542658 9.97460201 -37.24267578 13.37109375 C-45.41995105 15.5391182 -53.50448467 17.93674721 -61.58422852 20.44091797 C-69.05164216 22.74326794 -76.56235208 24.83950907 -84.11157227 26.85595703 C-88.44501717 28.01675052 -92.75941119 29.2108275 -97.05078125 30.51953125 C-98.22858154 30.87797119 -98.22858154 30.87797119 -99.43017578 31.24365234 C-100.89316681 31.69334091 -102.35396279 32.15025955 -103.81201172 32.61572266 C-108.67230563 34.10923146 -108.67230563 34.10923146 -112 33 C-98.58003809 28.43296454 -85.07008253 24.22178411 -71.5 20.125 C-68.43367068 19.19633571 -65.36760353 18.26680952 -62.30155945 17.33720398 C-60.29473558 16.7287851 -58.28782961 16.12063696 -56.28083801 15.51277161 C-48.57559321 13.1782188 -40.87952175 10.81528122 -33.1875 8.4375 C-30.3232959 7.55588771 -27.45870684 6.67554953 -24.59375 5.79638672 C-22.8563473 5.26293344 -21.11937105 4.72808938 -19.3828125 4.19189453 C-16.98648375 3.45410178 -14.58756896 2.72551743 -12.1875 2 C-11.51678467 1.79173584 -10.84606934 1.58347168 -10.1550293 1.36889648 C-6.67465288 0.3289361 -3.63397253 -0.22149928 0 0 Z " fill="#DCDCDC" transform="translate(3076,1023)"/>
<path d="M0 0 C0.69738281 0.4434375 1.39476563 0.886875 2.11328125 1.34375 C2.89251953 1.91609375 2.89251953 1.91609375 3.6875 2.5 C3.6875 2.83 3.6875 3.16 3.6875 3.5 C-10.12801917 3.61287189 -23.93850451 3.5615388 -37.75 3.1875 C-38.9575293 3.16502197 -40.16505859 3.14254395 -41.40917969 3.11938477 C-42.53098633 3.08385498 -43.65279297 3.0483252 -44.80859375 3.01171875 C-45.80044678 2.98553467 -46.7922998 2.95935059 -47.81420898 2.93237305 C-50.71247021 2.43077815 -51.38528476 1.61238511 -53.3125 -0.5 C-47.13836741 -0.95414268 -40.96368515 -1.39946384 -34.78833008 -1.83666992 C-32.68822123 -1.98659666 -30.58828206 -2.13892032 -28.48852539 -2.29370117 C-25.4680266 -2.51593328 -22.44701988 -2.72950044 -19.42578125 -2.94140625 C-18.48914139 -3.01218887 -17.55250153 -3.0829715 -16.58747864 -3.15589905 C-10.21321157 -3.59124134 -5.50213235 -3.56446992 0 0 Z " fill="#EBEBEB" transform="translate(2287.3125,1345.5)"/>
<path d="M0 0 C-2.2231779 2.2231779 -3.449636 2.6086432 -6.41796875 3.49633789 C-7.33231689 3.77324966 -8.24666504 4.05016144 -9.1887207 4.33546448 C-10.17831787 4.62823776 -11.16791504 4.92101105 -12.1875 5.22265625 C-13.70766724 5.68097084 -13.70766724 5.68097084 -15.25854492 6.14854431 C-18.50392661 7.1258723 -21.75181833 8.09452267 -25 9.0625 C-28.24769044 10.03560784 -31.49483418 11.01049723 -34.74145508 11.98716736 C-36.76400136 12.59503465 -38.78726103 13.20053413 -40.8112793 13.80348206 C-41.72562744 14.07724167 -42.63997559 14.35100128 -43.58203125 14.63305664 C-44.38874268 14.87351212 -45.1954541 15.11396759 -46.02661133 15.36170959 C-48.04540989 15.96010155 -48.04540989 15.96010155 -50 17 C-52.3329866 17.04022391 -54.66706666 17.04320247 -57 17 C-53.2688935 13.79757526 -49.02082942 12.10638574 -44.54296875 10.20703125 C-43.72178055 9.85613937 -42.90059235 9.5052475 -42.05451965 9.14372253 C-40.32008681 8.40540658 -38.58435079 7.67014551 -36.84741211 6.93774414 C-34.2017463 5.81852673 -31.56482339 4.68026761 -28.92773438 3.54101562 C-27.23748202 2.82433372 -25.54674195 2.10880076 -23.85546875 1.39453125 C-23.07294235 1.05396194 -22.29041595 0.71339264 -21.48417664 0.36250305 C-13.83135001 -2.8185306 -7.83032966 -2.19798727 0 0 Z " fill="#F4F4F4" transform="translate(2039,1320)"/>
<path d="M0 0 C-0.95358952 1.14676039 -1.93977945 2.26642161 -2.9375 3.375 C-3.75541016 4.31472656 -3.75541016 4.31472656 -4.58984375 5.2734375 C-10.27009604 9.34259717 -18.65718068 9.46093572 -25.453125 10.2890625 C-26.3163739 10.39721283 -27.1796228 10.50536316 -28.06903076 10.61679077 C-29.87714272 10.84230855 -31.68551797 11.06572464 -33.49414062 11.28710938 C-36.25724004 11.62588769 -39.01926023 11.97261521 -41.78125 12.3203125 C-43.5468167 12.53953253 -45.31243985 12.75829851 -47.078125 12.9765625 C-47.89903625 13.07965729 -48.71994751 13.18275208 -49.56573486 13.28897095 C-53.40233295 13.7547341 -57.12605892 14.12757322 -61 14 C-58.7283417 11.7283417 -57.60581738 11.46421745 -54.5390625 10.703125 C-53.60537842 10.46940186 -52.67169434 10.23567871 -51.7097168 9.99487305 C-50.18278198 9.62616089 -50.18278198 9.62616089 -48.625 9.25 C-47.05262573 8.8629187 -47.05262573 8.8629187 -45.44848633 8.46801758 C-35.67489711 6.09507703 -25.84826257 3.97633512 -16.00439453 1.91699219 C-14.87243652 1.68012695 -13.74047852 1.44326172 -12.57421875 1.19921875 C-11.56963623 0.99127686 -10.56505371 0.78333496 -9.5300293 0.5690918 C-2.94153519 -0.91289023 -2.94153519 -0.91289023 0 0 Z " fill="#EAEAEA" transform="translate(2428,2777)"/>
<path d="M0 0 C1.80271362 0.00676758 1.80271362 0.00676758 3.6418457 0.01367188 C5.5458313 0.04557617 5.5458313 0.04557617 7.48828125 0.078125 C9.42803833 0.09456055 9.42803833 0.09456055 11.40698242 0.11132812 C21.22450433 0.22391298 31.01056772 0.59418664 40.80078125 1.328125 C34.90786266 7.22104359 19.80267805 5.91436594 11.80078125 6.453125 C10.63289063 6.53949219 9.465 6.62585937 8.26171875 6.71484375 C0.42947303 7.2618853 -7.34914264 7.43081495 -15.19921875 7.328125 C-10.51347923 2.29529366 -6.97911987 -0.06071986 0 0 Z " fill="#F2F2F2" transform="translate(1866.19921875,1348.671875)"/>
<path d="M0 0 C0.495 6.93 0.495 6.93 1 14 C-9.86097506 12.95330739 -20.37564955 11.56214239 -31 9 C-28.49735399 6.49735399 -26.63378911 6.18372993 -23.22265625 5.2734375 C-22.06958984 4.9640625 -20.91652344 4.6546875 -19.72851562 4.3359375 C-18.51873047 4.01882813 -17.30894531 3.70171875 -16.0625 3.375 C-14.85658203 3.05015625 -13.65066406 2.7253125 -12.40820312 2.390625 C-3.41322545 0 -3.41322545 0 0 0 Z " fill="#F5F5F5" transform="translate(3200,1010)"/>
<path d="M0 0 C7.99784857 2.56140248 15.80418983 5.57521584 23.625 8.625 C24.99481066 9.1573871 26.36468439 9.68961197 27.73461914 10.22167969 C31.82440011 11.81107238 35.91248444 13.4047915 40 15 C41.8245874 15.7120459 41.8245874 15.7120459 43.68603516 16.43847656 C50.12619973 18.9534413 56.56435985 21.47348003 63 24 C62.67 25.32 62.34 26.64 62 28 C58.46722192 27.37884597 55.2918036 26.452049 51.95361328 25.14575195 C50.97554718 24.76477859 49.99748108 24.38380524 48.98977661 23.99128723 C47.42089188 23.37104927 47.42089188 23.37104927 45.8203125 22.73828125 C44.73418671 22.31000534 43.64806091 21.88172943 42.52902222 21.44047546 C40.23337629 20.53252962 37.9387305 19.62205154 35.64501953 18.70922852 C32.14985726 17.32236325 28.64745483 15.95501138 25.14453125 14.58789062 C22.91098158 13.70172152 20.67789302 12.81438917 18.4453125 11.92578125 C17.40343781 11.52241043 16.36156311 11.11903961 15.28811646 10.70344543 C9.18024989 8.24177119 4.69712816 5.64647528 0 1 C0 0.67 0 0.34 0 0 Z " fill="#ECECEC" transform="translate(3560,1876)"/>
<path d="M0 0 C-0.58265625 0.74121094 -1.1653125 1.48242188 -1.765625 2.24609375 C-6.70145251 8.57085679 -11.46027297 14.99052571 -16.0625 21.5625 C-19.66528207 26.69871187 -23.27183673 31.82869569 -27 36.875 C-27.680625 37.80054688 -28.36125 38.72609375 -29.0625 39.6796875 C-30.88965792 41.86785646 -32.6456203 43.41289583 -35 45 C-33.6870392 40.66521561 -32.0032126 36.95857383 -29.734375 33.04296875 C-29.09113281 31.92986328 -28.44789062 30.81675781 -27.78515625 29.66992188 C-27.45016113 29.09685303 -27.11516602 28.52378418 -26.77001953 27.93334961 C-25.76083488 26.20604482 -24.76121959 24.47316068 -23.76171875 22.74023438 C-12.54451863 3.41676738 -12.54451863 3.41676738 -6.75 0.875 C-5.89921875 0.48054688 -5.0484375 0.08609375 -4.171875 -0.3203125 C-2 -1 -2 -1 0 0 Z " fill="#EFEFEF" transform="translate(1581,1507)"/>
<path d="M0 0 C-8.39595036 5.6787304 -17.56785152 9.46232282 -26.87988281 13.34350586 C-29.52650967 14.44856875 -32.16569589 15.57020259 -34.8046875 16.69335938 C-36.48395838 17.39942917 -38.16363145 18.10454338 -39.84375 18.80859375 C-40.6332605 19.14491318 -41.422771 19.4812326 -42.23620605 19.82774353 C-44.13370231 20.61200473 -46.06467716 21.31437389 -48 22 C-48.66 21.67 -49.32 21.34 -50 21 C-45.20441541 12.11233141 -39.5040394 9.41801488 -30.21487427 6.57394409 C-28.44616793 6.05886268 -26.6739822 5.55559356 -24.89868164 5.0637207 C-22.1666793 4.30673095 -19.45198482 3.50295273 -16.73632812 2.68945312 C-15.006003 2.18217732 -13.27490678 1.67752267 -11.54296875 1.17578125 C-10.73047165 0.93950516 -9.91797455 0.70322906 -9.08085632 0.45979309 C-3.35530957 -1.11843652 -3.35530957 -1.11843652 0 0 Z " fill="#F2F2F2" transform="translate(1676,1448)"/>
<path d="M0 0 C1.79907227 0.16601562 1.79907227 0.16601562 4 1 C5.62475586 3.28710938 5.62475586 3.28710938 7.21484375 6.34375 C7.81280762 7.47683594 8.41077148 8.60992188 9.02685547 9.77734375 C9.66412046 11.01803227 10.30099319 12.25892234 10.9375 13.5 C11.59668027 14.76231405 12.25701198 16.02402745 12.91845703 17.28515625 C14.28013702 19.88679629 15.63365231 22.49245013 16.98095703 25.1015625 C18.91273881 28.83943071 20.87341331 32.56152638 22.83984375 36.28125 C24.01888487 38.52048821 25.19729944 40.76005645 26.375 43 C26.92792725 44.04865234 27.48085449 45.09730469 28.05053711 46.17773438 C28.55721924 47.15033203 29.06390137 48.12292969 29.5859375 49.125 C30.0298584 49.97320313 30.4737793 50.82140625 30.93115234 51.6953125 C31.90959508 53.80506569 32.53234316 55.72908454 33 58 C32.01 58.66 31.02 59.32 30 60 C23.94529132 48.64072354 18.07035459 37.20651341 12.34960938 25.67529297 C8.81898006 18.57835978 5.14974451 11.57697479 1.328125 4.6328125 C0 2 0 2 0 0 Z " fill="#ECECEC" transform="translate(1759,3076)"/>
<path d="M0 0 C0.66 0.33 1.32 0.66 2 1 C-2.55062106 7.02288081 -8.08395899 11.35075968 -14.01953125 15.91015625 C-18.26177158 19.17561361 -22.38190806 22.58014255 -26.5 26 C-32.38645872 30.8786448 -38.32639302 35.67305356 -44.37255859 40.35253906 C-47.40713748 42.70909458 -50.30344324 45.14364672 -53.125 47.75 C-54.548125 48.86375 -54.548125 48.86375 -56 50 C-58.1796875 49.640625 -58.1796875 49.640625 -60 49 C-58.68864618 45.06593853 -56.8842825 44.15499137 -53.5625 41.6875 C-52.36920555 40.79114434 -51.17653129 39.89396262 -49.984375 38.99609375 C-49.34048828 38.51382324 -48.69660156 38.03155273 -48.03320312 37.53466797 C-44.42824137 34.81363176 -40.87316172 32.02859126 -37.3125 29.25 C-35.77747171 28.05452318 -34.24231371 26.85921289 -32.70703125 25.6640625 C-31.93439941 25.06239258 -31.16176758 24.46072266 -30.36572266 23.84082031 C-27.97834147 21.98314703 -25.58906474 20.12793854 -23.19921875 18.2734375 C-15.42187497 12.23640553 -7.65442594 6.19277676 0 0 Z " fill="#EDEDED" transform="translate(2166,3575)"/>
<path d="M0 0 C11.71629663 -0.13991597 23.36224622 0.30635278 35.0625 0.875 C48.3102961 1.50944777 61.55546192 2.06898516 74.8125 2.47265625 C77.29159107 2.55141324 79.77067641 2.63035082 82.24975586 2.70947266 C85.89538429 2.82559534 89.54082422 2.93692949 93.18704224 3.03289795 C96.58484099 3.12266272 99.9817187 3.22962319 103.37890625 3.33984375 C104.39666138 3.36176285 105.4144165 3.38368195 106.4630127 3.40626526 C107.40020142 3.43969528 108.33739014 3.47312531 109.30297852 3.50756836 C110.11767105 3.5304039 110.93236359 3.55323944 111.77174377 3.57676697 C114.48483952 4.09208999 115.92873618 5.21666432 118 7 C104.67633947 7.19255611 91.42842216 6.58395825 78.125 5.90625 C75.86101968 5.79380439 73.59702193 5.68170925 71.33300781 5.56994629 C65.42784133 5.27750935 59.52292086 4.98037059 53.61804199 4.68218994 C47.57102586 4.3776867 41.52378496 4.07771652 35.4765625 3.77734375 C23.65081971 3.18928587 11.82533231 2.59625135 0 2 C0 1.34 0 0.68 0 0 Z " fill="#C5C5C5" transform="translate(3252,1400)"/>
<path d="M0 0 C4.8274799 1.41292095 8.7162359 3.42974154 13 6 C9.17108805 11.31793327 5.07573861 16.34129139 0.8125 21.3125 C0.28946289 21.92303223 -0.23357422 22.53356445 -0.77246094 23.16259766 C-3.10534017 25.86780861 -5.45083501 28.49479419 -8 31 C-6.57984501 24.49370851 -5.05149922 18.02328618 -3.4375 11.5625 C-3.21642578 10.66595703 -2.99535156 9.76941406 -2.76757812 8.84570312 C-2.55423828 7.99041016 -2.34089844 7.13511719 -2.12109375 6.25390625 C-1.9295874 5.48377197 -1.73808105 4.7136377 -1.54077148 3.92016602 C-1 2 -1 2 0 0 Z " fill="#F5F5F5" transform="translate(3499,1476)"/>
<path d="M0 0 C1.1034375 0.43505859 2.206875 0.87011719 3.34375 1.31835938 C10.68323643 4.22572636 17.97187089 7.25525784 25.25 10.3125 C25.25 10.6425 25.25 10.9725 25.25 11.3125 C19.88627847 11.54995642 15.39449836 10.74585503 10.25 9.1875 C8.67377343 8.72841627 7.09691532 8.27149699 5.51953125 7.81640625 C4.25810303 7.45119873 4.25810303 7.45119873 2.97119141 7.07861328 C-3.00374908 5.39645257 -9.0284791 3.89443326 -15.04492188 2.36865234 C-16.44000977 2.0102124 -16.44000977 2.0102124 -17.86328125 1.64453125 C-18.68610596 1.43546143 -19.50893066 1.2263916 -20.35668945 1.01098633 C-22.89973098 0.2688011 -25.30681444 -0.66690129 -27.75 -1.6875 C-17.4916642 -6.99353576 -10.1558386 -4.1243469 0 0 Z " fill="#E9E9E9" transform="translate(2131.75,1323.6875)"/>
<path d="M0 0 C10.31035379 2.43278011 20.11143805 6.25976672 30 10 C28.02 13.63 26.04 17.26 24 21 C21 21 21 21 19.23828125 19.49609375 C18.60277344 18.81675781 17.96726562 18.13742188 17.3125 17.4375 C12.51873614 12.45868276 7.47479519 7.90765463 2 3.6875 C1.34 3.130625 0.68 2.57375 0 2 C0 1.34 0 0.68 0 0 Z " fill="#F3F3F3" transform="translate(2551,3532)"/>
<path d="M0 0 C7.50808894 -0.2704643 13.48007693 -0.30172579 19.1875 5 C20.79675245 6.66175661 22.40085282 8.3285166 24 10 C25.76864236 11.50662127 27.56101283 12.98579272 29.375 14.4375 C33.50549587 17.78207891 37.60803588 21.15608082 41.6875 24.5625 C42.21714355 25.00456787 42.74678711 25.44663574 43.29248047 25.90209961 C44.52867134 26.93431282 45.76439054 27.96709087 47 29 C44 30 44 30 41.96882629 29.02603149 C41.19383286 28.5116452 40.41883942 27.99725891 39.62036133 27.46728516 C38.73967484 26.88983551 37.85898834 26.31238586 36.95161438 25.71743774 C35.53117073 24.762892 35.53117073 24.762892 34.08203125 23.7890625 C33.10965012 23.14633392 32.13726898 22.50360535 31.13542175 21.84140015 C29.07868905 20.47917905 27.02524851 19.11197637 24.97485352 17.74023438 C21.82165403 15.63112295 18.65893928 13.53696856 15.49414062 11.4453125 C13.50203117 10.12325884 11.51047539 8.80037041 9.51953125 7.4765625 C8.56649612 6.84424713 7.613461 6.21193176 6.63154602 5.56045532 C5.324701 4.68482437 5.324701 4.68482437 3.99145508 3.79150391 C3.21884842 3.27552643 2.44624176 2.75954895 1.65022278 2.22793579 C1.10564926 1.82271698 0.56107574 1.41749817 0 1 C0 0.67 0 0.34 0 0 Z " fill="#ECECEC" transform="translate(2351,1370)"/>
<path d="M0 0 C0.63615234 0.33386719 1.27230469 0.66773437 1.92773438 1.01171875 C3.47943107 1.82840122 5.02197571 2.6624334 6.5625 3.5 C6.5625 4.16 6.5625 4.82 6.5625 5.5 C4.54583992 6.03676516 2.52389034 6.55367526 0.5 7.0625 C-1.18802734 7.49755859 -1.18802734 7.49755859 -2.91015625 7.94140625 C-9.88145736 9.0453886 -14.60284795 7.29066702 -20.375 3.5 C-20.96345703 3.13132812 -21.55191406 2.76265625 -22.15820312 2.3828125 C-23.60916036 1.45932288 -25.02699708 0.48417046 -26.4375 -0.5 C-26.4375 -0.83 -26.4375 -1.16 -26.4375 -1.5 C-24.58468166 -1.8407482 -22.73015605 -2.17221783 -20.875 -2.5 C-19.84246094 -2.685625 -18.80992188 -2.87125 -17.74609375 -3.0625 C-10.5919743 -4.00849927 -6.21119075 -3.40465271 0 0 Z " fill="#F5F5F5" transform="translate(1968.4375,2860.5)"/>
<path d="M0 0 C0.66 0 1.32 0 2 0 C2.22961426 0.60545654 2.45922852 1.21091309 2.69580078 1.8347168 C7.74155017 15.03328305 13.20519532 27.91933699 19.375 40.625 C19.82507416 41.55413712 19.82507416 41.55413712 20.28424072 42.50204468 C24.13815636 50.45905185 24.13815636 50.45905185 28.4296875 58.18359375 C30 61 30 61 29.75 63.4375 C29.5025 63.953125 29.255 64.46875 29 65 C28.34 65 27.68 65 27 65 C19.60508223 51.26790444 12.65120679 37.54490927 7 23 C6.66564941 22.14229004 6.33129883 21.28458008 5.98681641 20.40087891 C4.97812988 17.79283356 3.98481056 15.1796472 3 12.5625 C2.69666748 11.76295898 2.39333496 10.96341797 2.08081055 10.13964844 C1.66955933 9.02058105 1.66955933 9.02058105 1.25 7.87890625 C1.00765625 7.2247876 0.7653125 6.57066895 0.515625 5.89672852 C0 4 0 4 0 0 Z " fill="#EEEEEE" transform="translate(1022,1651)"/>
<path d="M0 0 C3.45822745 0.44603604 4.97422787 2.23297893 7.45703125 4.61328125 C8.30523438 5.41378906 9.1534375 6.21429687 10.02734375 7.0390625 C11.8052438 8.78381526 13.57925909 10.53082505 15.33203125 12.30078125 C2.78656902 13.59412787 -4.90489155 12.34286206 -15.01953125 4.5859375 C-15.89351562 3.83183594 -16.7675 3.07773438 -17.66796875 2.30078125 C-17.66796875 1.97078125 -17.66796875 1.64078125 -17.66796875 1.30078125 C-15.27226604 1.13202735 -12.87643512 0.96571289 -10.48046875 0.80078125 C-9.80693359 0.75308594 -9.13339844 0.70539063 -8.43945312 0.65625 C-4.21459101 0.39022074 -4.21459101 0.39022074 0 0 Z " fill="#EEEEEE" transform="translate(2324.66796875,1338.69921875)"/>
<path d="M0 0 C1.12588014 0.95729916 2.2506715 1.91587895 3.375 2.875 C4.00148438 3.40867187 4.62796875 3.94234375 5.2734375 4.4921875 C6.55836651 5.61432007 7.79371975 6.79371975 9 8 C8.8684082 9.95678711 8.8684082 9.95678711 8 12 C6.29760742 13.41625977 6.29760742 13.41625977 4.10546875 14.69140625 C3.31462891 15.16126953 2.52378906 15.63113281 1.70898438 16.11523438 C0.87689453 16.59283203 0.04480469 17.07042969 -0.8125 17.5625 C-2.44499799 18.52045443 -4.076541 19.48003852 -5.70703125 20.44140625 C-6.4338208 20.86107666 -7.16061035 21.28074707 -7.90942383 21.71313477 C-10.04385627 23.02699596 -12.01876589 24.46679909 -14 26 C-14.66 25.67 -15.32 25.34 -16 25 C-5.23404255 7.65957447 -5.23404255 7.65957447 0 0 Z " fill="#F5F5F5" transform="translate(3621,1971)"/>
<path d="M0 0 C1.74216797 0.68255859 1.74216797 0.68255859 3.51953125 1.37890625 C4.39996094 1.72824219 5.28039063 2.07757812 6.1875 2.4375 C-0.36414862 6.80526575 -8.81978895 9.39782052 -16.66796875 8 C-20.45547777 7.00655501 -24.14784011 5.81499627 -27.8125 4.4375 C-26.18843575 1.1893715 -22.78422574 0.53929702 -19.5625 -0.75 C-18.89347656 -1.03552734 -18.22445312 -1.32105469 -17.53515625 -1.61523438 C-10.54474083 -4.43749443 -6.76132284 -2.66355142 0 0 Z " fill="#F5F5F5" transform="translate(2078.8125,1303.5625)"/>
<path d="M0 0 C-6.65479591 10.67483589 -12.30064328 17.9590656 -25 21 C-25.66 20.67 -26.32 20.34 -27 20 C-20.54597223 4.74339546 -20.54597223 4.74339546 -13.91015625 1.7890625 C-3.58050762 -1.79025381 -3.58050762 -1.79025381 0 0 Z " fill="#F3F3F3" transform="translate(1609,1468)"/>
<path d="M0 0 C-1.45574603 5.21642328 -3.16694933 9.22496924 -7.90988159 12.19662476 C-10.30728238 13.46086997 -12.73174119 14.63785521 -15.18359375 15.79296875 C-16.07611343 16.22507156 -16.96863312 16.65717438 -17.88819885 17.10237122 C-20.73252353 18.47574045 -23.58482677 19.83157153 -26.4375 21.1875 C-28.3527431 22.11022977 -30.26746287 23.03404661 -32.18164062 23.95898438 C-47.13047212 31.15819639 -47.13047212 31.15819639 -52 33 C-48.20729219 28.60510739 -43.34907479 25.96537048 -38.4375 23 C-36.54900879 21.84582138 -34.6609987 20.6908552 -32.7734375 19.53515625 C-31.8153418 18.95008301 -30.85724609 18.36500977 -29.87011719 17.76220703 C-25.41083169 15.02427553 -20.9847061 12.23480246 -16.5625 9.4375 C-15.78898193 8.94958984 -15.01546387 8.46167969 -14.21850586 7.95898438 C-10.97279156 5.9065737 -7.75234778 3.83885504 -4.58984375 1.66015625 C-2 0 -2 0 0 0 Z " fill="#F0F0F0" transform="translate(2632,2626)"/>
<path d="M0 0 C0.33 0 0.66 0 1 0 C1.13217696 6.033605 0.87573147 10.71596525 -3.23461914 15.36987305 C-4.64271258 16.77640389 -6.07784383 18.15624959 -7.53515625 19.51171875 C-8.66503212 20.62037041 -8.66503212 20.62037041 -9.81773376 21.75141907 C-12.21007415 24.08813768 -14.63486831 26.3875243 -17.0625 28.6875 C-18.69824319 30.27304218 -20.3317334 31.86091218 -21.96289062 33.45117188 C-25.94959013 37.32809334 -29.96347802 41.17501516 -34 45 C-34 41.594426 -33.63793578 41.19532698 -31.54296875 38.69921875 C-31.01292236 38.05887695 -30.48287598 37.41853516 -29.93676758 36.75878906 C-29.35950928 36.07526367 -28.78225098 35.39173828 -28.1875 34.6875 C-26.98594866 33.23913553 -25.78544532 31.78990108 -24.5859375 30.33984375 C-23.98104492 29.6113623 -23.37615234 28.88288086 -22.75292969 28.13232422 C-20.21713244 25.04769286 -17.76247873 21.90289618 -15.3125 18.75 C-11.72601359 14.15848392 -8.09001098 9.61332884 -4.375 5.125 C-3.14910156 3.64386719 -3.14910156 3.64386719 -1.8984375 2.1328125 C-1.27195312 1.42898437 -0.64546875 0.72515625 0 0 Z " fill="#E6E6E6" transform="translate(2776,2417)"/>
<path d="M0 0 C0.66 0 1.32 0 2 0 C1.44091841 2.29254685 0.87825371 4.58409589 0.3125 6.875 C0.04348877 7.96856812 0.04348877 7.96856812 -0.23095703 9.08422852 C-1.13639767 12.71801704 -2.07596869 16.32762974 -3.16796875 19.91015625 C-7.81608661 35.30775812 -10.28039101 51.1724672 -13 67 C-14.32 67 -15.64 67 -17 67 C-16.34 62.38 -15.68 57.76 -15 53 C-16.485 53.495 -16.485 53.495 -18 54 C-17.67 52.35 -17.34 50.7 -17 49 C-16.34 49.33 -15.68 49.66 -15 50 C-14.78085938 49.07703125 -14.56171875 48.1540625 -14.3359375 47.203125 C-10.46777718 31.18414518 -5.77602093 15.43679931 0 0 Z " fill="#DFDFDF" transform="translate(1515,1094)"/>
<path d="M0 0 C5.74249534 3.60045343 11.19231568 7.55926458 16.5625 11.6875 C17.51020264 12.40063354 17.51020264 12.40063354 18.47705078 13.12817383 C20.04294685 14.34745564 21.52933197 15.66740322 23 17 C23 20 23 20 21.25 21.82421875 C20.13625 22.74654297 20.13625 22.74654297 19 23.6875 C18.2575 24.31011719 17.515 24.93273438 16.75 25.57421875 C16.1725 26.04472656 15.595 26.51523438 15 27 C12.3464875 24.61296957 10.78555604 22.08924066 9.08203125 18.96484375 C8.55029297 17.99095703 8.01855469 17.01707031 7.47070312 16.01367188 C6.92349609 14.99853516 6.37628906 13.98339844 5.8125 12.9375 C5.25369141 11.91849609 4.69488281 10.89949219 4.11914062 9.84960938 C0 2.26013049 0 2.26013049 0 0 Z " fill="#F5F5F5" transform="translate(2057,3608)"/>
<path d="M0 0 C0.495 0.99 0.495 0.99 1 2 C0.03466797 4.2487793 0.03466797 4.2487793 -1.5078125 7.07421875 C-2.0754834 8.12198486 -2.6431543 9.16975098 -3.22802734 10.24926758 C-4.16702881 11.95119263 -4.16702881 11.95119263 -5.125 13.6875 C-5.77214556 14.87301907 -6.41878663 16.05881367 -7.06494141 17.24487305 C-11.60847764 25.5627376 -16.24791899 33.82682898 -20.94165039 42.06079102 C-24.08650711 47.58373389 -27.18117527 53.13095282 -30.23046875 58.70703125 C-30.59058044 59.36453873 -30.95069214 60.0220462 -31.32171631 60.69947815 C-33.09395765 63.93619519 -34.86114349 67.17550837 -36.62060547 70.41918945 C-37.26900059 71.60509265 -37.91759154 72.79088881 -38.56640625 73.9765625 C-39.13302979 75.01893066 -39.69965332 76.06129883 -40.28344727 77.13525391 C-41.98598599 79.97661209 -43.87067114 82.46740019 -46 85 C-46.66 84.67 -47.32 84.34 -48 84 C-46.60609158 80.2758816 -44.90828014 76.92786765 -42.91015625 73.4921875 C-42.29624023 72.43265869 -41.68232422 71.37312988 -41.04980469 70.28149414 C-40.06608887 68.59527954 -40.06608887 68.59527954 -39.0625 66.875 C-38.38021476 65.69997364 -37.69825166 64.52476017 -37.01660156 63.34936523 C-35.6503037 60.99444781 -34.28227176 58.64055294 -32.91259766 56.28759766 C-30.79373245 52.6454431 -28.68259756 48.99888221 -26.57348633 45.35107422 C-25.25611859 43.07308028 -23.93684806 40.79619756 -22.6171875 38.51953125 C-20.80611243 35.39409808 -18.99940907 32.2661851 -17.1953125 29.13671875 C-11.55848449 19.36582805 -5.84181301 9.64980964 0 0 Z " fill="#E6E6E6" transform="translate(1133,2263)"/>
<path d="M0 0 C4.67703105 1.02881146 9.33316966 2.1282151 13.984375 3.26806641 C16.17196891 3.79902548 18.36248853 4.31797638 20.5546875 4.82958984 C23.78969823 5.59244705 27.01405262 6.38289645 30.23526001 7.20117188 C32.15780901 7.68010359 34.08908343 8.12355964 36.02026367 8.56640625 C42.19755939 10.16726891 46.21628336 11.32196815 49.86328125 16.76953125 C50.61687571 18.15802729 51.34565526 19.56206439 52 21 C45.47106882 19.20580956 39.23507049 16.96539282 32.96386719 14.40820312 C28.23376086 12.48208679 23.47487068 10.65374948 18.6875 8.875 C16.12462375 7.91766943 13.56231371 6.95883621 11 6 C9.41832031 5.40832031 9.41832031 5.40832031 7.8046875 4.8046875 C6.89976562 4.45664063 5.99484375 4.10859375 5.0625 3.75 C4.29035156 3.45609375 3.51820313 3.1621875 2.72265625 2.859375 C1 2 1 2 0 0 Z " fill="#F1F1F1" transform="translate(2469,1437)"/>
<path d="M0 0 C-1.45699098 1.79275845 -2.91563655 3.58417229 -4.375 5.375 C-5.18710938 6.37273438 -5.99921875 7.37046875 -6.8359375 8.3984375 C-10.4959417 12.79837034 -12.18655018 13.40105112 -17.875 14.1875 C-19.10992188 14.36667969 -20.34484375 14.54585937 -21.6171875 14.73046875 C-24.50594419 14.96063528 -26.31285763 14.95197757 -29 14 C-22.13258547 5.71912593 -11.84515529 -3.9483851 0 0 Z " fill="#F3F3F3" transform="translate(2475,2766)"/>
<path d="M0 0 C0.66 0 1.32 0 2 0 C2.03963867 0.85303711 2.07927734 1.70607422 2.12011719 2.58496094 C2.92341158 19.17010541 4.0252765 35.5128213 6.67871094 51.92480469 C7.65772385 58.04872479 8.19549372 63.79633247 8 70 C7.01 70 6.02 70 5 70 C4.34494974 66.10566022 3.7027361 62.20930036 3.0625 58.3125 C2.88009766 57.22904297 2.69769531 56.14558594 2.50976562 55.02929688 C0.3370403 41.71641622 -0.14307208 28.63695708 -0.0625 15.1875 C-0.05746824 13.70507966 -0.05290834 12.22265764 -0.04882812 10.74023438 C-0.0379707 7.1601205 -0.02080135 3.58007157 0 0 Z " fill="#ECECEC" transform="translate(1222,1331)"/>
<path d="M0 0 C3.93135677 4.70011218 7.31344048 9.74829526 10.75 14.8125 C11.35199219 15.69615234 11.95398437 16.57980469 12.57421875 17.49023438 C14.05128226 19.65893874 15.52648227 21.82888561 17 24 C14.14415227 25.90389849 12.0688238 26.69462177 8.8125 27.625 C7.46091797 28.01558594 7.46091797 28.01558594 6.08203125 28.4140625 C5.05142578 28.70410156 5.05142578 28.70410156 4 29 C3.32663096 25.10529437 2.66248416 21.20907067 2 17.3125 C1.80921875 16.20970703 1.6184375 15.10691406 1.421875 13.97070312 C1.24140625 12.90400391 1.0609375 11.83730469 0.875 10.73828125 C0.70742187 9.75899658 0.53984375 8.77971191 0.3671875 7.77075195 C0.01867065 5.14088643 -0.06764613 2.64876878 0 0 Z " fill="#F5F5F5" transform="translate(1564,3518)"/>
<path d="M0 0 C2.63830433 2.38703725 4.45301493 4.78758927 6 8 C6.14672852 10.93994141 6.14672852 10.93994141 5.81640625 14.2265625 C5.69797363 15.46051758 5.57954102 16.69447266 5.45751953 17.96582031 C5.30730085 19.31080437 5.15472462 20.65552685 5 22 C4.92352234 22.69121948 4.84704468 23.38243896 4.76824951 24.09460449 C4.20103086 29.19359553 3.57522174 34.28442402 2.9375 39.375 C2.74902259 40.90100139 2.56086985 42.42704292 2.37304688 43.953125 C1.91909016 47.63588493 1.46079924 51.31808919 1 55 C-1.53626617 51.19560075 -1.25816237 48.21653216 -1.1875 43.8125 C-1.18105469 42.96913086 -1.17460937 42.12576172 -1.16796875 41.25683594 C-1.01357671 27.50146971 -0.48163313 13.74703929 0 0 Z " fill="#EBEBEB" transform="translate(2830,1925)"/>
<path d="M0 0 C15.76484821 1.91686223 15.76484821 1.91686223 19.9453125 7.08984375 C22.03220505 10.22589167 23.70962527 13.45385907 25 17 C24.67 17.66 24.34 18.32 24 19 C14.93445336 16.38469667 8.4546416 14.04599626 3 6 C2.17048828 4.95005859 2.17048828 4.95005859 1.32421875 3.87890625 C0 2 0 2 0 0 Z " fill="#F5F5F5" transform="translate(2540,1456)"/>
<path d="M0 0 C5.00490903 2.35730054 9.4334754 5.56268095 14 8.66210938 C16.28582277 10.19119981 18.59558523 11.6806075 20.90625 13.171875 C22.62532448 14.30158973 24.34407444 15.43179844 26.0625 16.5625 C26.89595947 17.09206299 27.72941895 17.62162598 28.58813477 18.16723633 C33.68866189 21.56114702 36.39339763 23.99487736 38 30 C37.505 31.485 37.505 31.485 37 33 C36.11699219 32.23816406 35.23398438 31.47632813 34.32421875 30.69140625 C25.96975111 23.49783396 17.55115748 16.40022218 8.91015625 9.55078125 C7.90855469 8.75027344 6.90695313 7.94976563 5.875 7.125 C4.96492188 6.40570312 4.05484375 5.68640625 3.1171875 4.9453125 C1 3 1 3 0 0 Z " fill="#F0F0F0" transform="translate(2664,1602)"/>
<path d="M0 0 C1.42261484 0.37389236 2.83801142 0.77529043 4.25 1.1875 C5.03890625 1.40792969 5.8278125 1.62835937 6.640625 1.85546875 C11.73600134 4.32723244 14.3296245 9.98463049 17.109375 14.7265625 C17.66688446 15.67080582 17.66688446 15.67080582 18.23565674 16.63412476 C19.01412001 17.95573293 19.79051952 19.27855871 20.56494141 20.60253906 C21.7530875 22.63026923 22.95234857 24.65113995 24.15234375 26.671875 C24.90953714 27.96053644 25.66607109 29.24958563 26.421875 30.5390625 C26.78118103 31.14223297 27.14048706 31.74540344 27.51068115 32.36685181 C29.12417261 35.14716447 30 36.72503846 30 40 C25.01225123 34.48911362 20.48338067 28.76743252 16.125 22.75 C14.90673222 21.0803772 13.68798173 19.41110651 12.46875 17.7421875 C11.8809375 16.93620117 11.293125 16.13021484 10.6875 15.29980469 C7.66563155 11.18145966 4.57186009 7.11796907 1.4765625 3.0546875 C0 1 0 1 0 0 Z " fill="#F0F0F0" transform="translate(2573,1500)"/>
<path d="M0 0 C0.495 0.99 0.495 0.99 1 2 C-2.56068274 10.68245299 -8.53868495 18.71318785 -13.56640625 26.59765625 C-18.01505081 33.57722414 -22.37996938 40.6090773 -26.74780273 47.6394043 C-28.48844414 50.43275627 -30.2428164 53.21703392 -32 56 C-32.55204102 56.89428711 -33.10408203 57.78857422 -33.67285156 58.70996094 C-34.19588867 59.5352832 -34.71892578 60.36060547 -35.2578125 61.2109375 C-35.71559082 61.9436084 -36.17336914 62.6762793 -36.64501953 63.43115234 C-37.31573486 64.20773193 -37.31573486 64.20773193 -38 65 C-38.99 65 -39.98 65 -41 65 C-39.620322 61.2408221 -37.89182376 58.04027794 -35.7265625 54.67578125 C-35.07260498 53.65613281 -34.41864746 52.63648437 -33.74487305 51.5859375 C-33.04531494 50.50570312 -32.34575684 49.42546875 -31.625 48.3125 C-30.89798934 47.18372513 -30.17118462 46.05481759 -29.44458008 44.92578125 C-24.7823701 37.69443195 -20.05138212 30.51026902 -15.25537109 23.36694336 C-10.07095497 15.64218122 -5.03165531 7.8248183 0 0 Z " fill="#E1E1E1" transform="translate(2646,3466)"/>
<path d="M0 0 C4.32007594 4.32007594 5.95960891 11.65731673 6.0625 17.625 C4.56993226 22.36609754 2.37506307 26.64425702 0 31 C-3.27520083 24.90372282 -4.7119914 17.8825835 -4 11 C-2.83367742 7.26269679 -1.46949094 3.62780575 0 0 Z " fill="#ECECEC" transform="translate(2860,2129)"/>
<path d="M0 0 C0.66 0 1.32 0 2 0 C0.57794836 11.80209302 -1.38107209 23.49044693 -3.45898438 35.19287109 C-4.00617105 38.28487089 -4.54224488 41.37867931 -5.078125 44.47265625 C-5.42640996 46.4454315 -5.7753439 48.41809231 -6.125 50.390625 C-6.28339355 51.3124054 -6.44178711 52.23418579 -6.60498047 53.18389893 C-6.75854004 54.0361908 -6.91209961 54.88848267 -7.0703125 55.76660156 C-7.20195801 56.51411682 -7.33360352 57.26163208 -7.46923828 58.03179932 C-8 60 -8 60 -10 63 C-10.66 63 -11.32 63 -12 63 C-11.47947567 55.48060749 -10.37865246 48.29137713 -8.75 40.9375 C-6.54742303 30.72008055 -4.52704194 20.47809985 -2.61230469 10.20288086 C-2.41540039 9.1588208 -2.21849609 8.11476074 -2.015625 7.0390625 C-1.84321289 6.11303223 -1.67080078 5.18700195 -1.49316406 4.23291016 C-1 2 -1 2 0 0 Z " fill="#E0E0E0" transform="translate(1247,2524)"/>
<path d="M0 0 C4.54989722 2.71755829 8.16672572 5.08280199 9.75024414 10.32128906 C10.12807918 11.96217863 10.47171716 13.61122667 10.78515625 15.265625 C11.071381 16.57753815 11.071381 16.57753815 11.36338806 17.91595459 C11.95980971 20.68859297 12.51071531 23.46817593 13.0625 26.25 C13.46532388 28.13340817 13.87089659 30.01623065 14.27929688 31.8984375 C17.18979995 45.6204001 17.18979995 45.6204001 16 48 C13.13358553 42.05484407 10.98990264 36.0457354 9.07861328 29.74169922 C6.94446916 22.7216166 4.60234963 15.77561244 2.23510742 8.83105469 C1.94482666 7.97157227 1.6545459 7.11208984 1.35546875 6.2265625 C0.96331177 5.07534912 0.96331177 5.07534912 0.56323242 3.90087891 C0 2 0 2 0 0 Z " fill="#EFEFEF" transform="translate(2736,1690)"/>
<path d="M0 0 C2.3828125 0.078125 2.3828125 0.078125 5 1 C6.5546875 3.421875 6.5546875 3.421875 7.875 6.75 C8.11621582 7.35110596 8.35743164 7.95221191 8.60595703 8.5715332 C11.57176827 16.14423791 14.14081523 23.8812118 16.6796875 31.60546875 C16.93476074 32.38043701 17.18983398 33.15540527 17.45263672 33.95385742 C18 36 18 36 18 39 C17.01 39 16.02 39 15 39 C14.69296143 38.23969482 14.38592285 37.47938965 14.06958008 36.69604492 C12.90658644 33.81946479 11.74144921 30.94376416 10.57495117 28.06860352 C9.83156497 26.23453669 9.09055566 24.39950702 8.34960938 22.56445312 C5.39823826 15.29496856 2.31567124 8.11099078 -1 1 C-0.67 0.67 -0.34 0.34 0 0 Z " fill="#EAEAEA" transform="translate(3427,2924)"/>
<path d="M0 0 C0 0.66 0 1.32 0 2 C-7.23186233 4.69332432 -14.44411559 7.17149976 -21.875 9.25 C-29.17347466 11.32101578 -36.27144649 13.84014187 -43.375 16.5 C-44.36097168 16.86770508 -45.34694336 17.23541016 -46.36279297 17.61425781 C-52.31719045 19.87375238 -58.08096867 22.37188511 -63.80712891 25.16210938 C-64.8926001 25.57686523 -64.8926001 25.57686523 -66 26 C-66.66 25.67 -67.32 25.34 -68 25 C-49.88907359 15.33724045 -30.75011612 7.60286982 -11 2 C-9.78570313 1.62875 -8.57140625 1.2575 -7.3203125 0.875 C-4 0 -4 0 0 0 Z " fill="#DADADA" transform="translate(1098,1608)"/>
<path d="M0 0 C4.19356746 3.81139506 7.32033919 8.36929241 10.625 12.9375 C15.71050859 19.99631131 15.71050859 19.99631131 21.140625 26.7890625 C28.59060893 35.65649848 28.59060893 35.65649848 28.625 41.8125 C28.3515625 44.26953125 28.3515625 44.26953125 28 46 C24.83159899 43.07831342 22.75198561 40.16483133 20.64453125 36.4140625 C20.02586182 35.32416016 19.40719238 34.23425781 18.76977539 33.11132812 C18.12387451 31.96083984 17.47797363 30.81035156 16.8125 29.625 C11.93905058 21.02191383 6.9582439 12.55296699 1.44140625 4.34375 C0 2 0 2 0 0 Z " fill="#EFEFEF" transform="translate(2788,1815)"/>
<path d="M0 0 C3.03286449 1.61224169 6.02007016 3.29217467 9 5 C9.94875 5.515625 10.8975 6.03125 11.875 6.5625 C15.39465305 10.59974909 16.27869544 15.76686185 17 21 C16.67 21.99 16.34 22.98 16 24 C6.34122747 17.10563478 2.17424779 11.56863916 0 0 Z " fill="#F3F3F3" transform="translate(2720,1640)"/>
<path d="M0 0 C4.81302477 0.62584223 9.1218805 2.00515135 13.625 3.75 C14.57826172 4.10964844 14.57826172 4.10964844 15.55078125 4.4765625 C19.46616751 5.96887082 23.32841524 7.56195087 27.18359375 9.203125 C32.79689734 11.55646269 38.47676789 13.69718383 44.18359375 15.8125 C46.03583159 16.50253894 47.88804478 17.19264407 49.74023438 17.8828125 C52.60363711 18.94915936 55.46829712 20.01127249 58.33764648 21.06152344 C61.14530005 22.09097261 63.94601436 23.13765302 66.74609375 24.1875 C67.6013414 24.49598877 68.45658905 24.80447754 69.3377533 25.12231445 C74.34721902 27.0205787 77.51812099 28.90190228 81 33 C74.19760532 30.83399869 67.57793626 28.31351289 60.95703125 25.6484375 C59.91214035 25.23010651 58.86724945 24.81177551 57.79069519 24.38076782 C55.58238931 23.49610623 53.37457822 22.61020867 51.16723633 21.72314453 C47.86838842 20.39745949 44.56813999 19.07531745 41.26757812 17.75390625 C27.48625346 12.23115049 13.73256545 6.64286391 0 1 C0 0.67 0 0.34 0 0 Z " fill="#D1D1D1" transform="translate(3441,1831)"/>
<path d="M0 0 C10.2997449 10.17857143 10.2997449 10.17857143 10.375 16.5 C10.14941472 20.36812401 9.64992317 24.18170139 9 28 C7.62360375 26.36871556 6.30305256 24.69044656 5 23 C4.54496094 22.47664063 4.08992188 21.95328125 3.62109375 21.4140625 C-1.32962957 14.95414432 -0.45205354 7.71504707 0 0 Z " fill="#F9F9F9" transform="translate(2831,1873)"/>
<path d="M0 0 C1.58622232 4.75866697 -0.27568222 8.26540649 -2.0625 12.80859375 C-5.27873001 18.10629519 -10.1533212 20.32458539 -16 22 C-16.66 21.67 -17.32 21.34 -18 21 C-13.90273413 10.91764951 -10.2262324 4.91894723 0 0 Z " fill="#F7F7F7" transform="translate(2669,2602)"/>
<path d="M0 0 C4.14413986 1.70042103 7.24383235 4.64149405 10.5625 7.5625 C11.82335107 8.65855103 13.08507833 9.75359489 14.34765625 10.84765625 C14.96914551 11.38664551 15.59063477 11.92563477 16.23095703 12.48095703 C18.61880319 14.53135433 21.05414785 16.51933221 23.5 18.5 C28.33898996 22.42812126 33.07040627 26.46953239 37.78662109 30.54321289 C42.33714097 34.46349644 46.9789401 38.2447871 51.6953125 41.96484375 C54.13072576 44.11543749 56.04579446 46.41090279 58 49 C57.505 49.99 57.505 49.99 57 51 C56.33355469 50.38253906 55.66710938 49.76507812 54.98046875 49.12890625 C50.27205593 44.80243461 45.5467545 40.57315377 40.5625 36.5625 C36.02683557 32.90428985 31.7429883 29.05257035 27.48071289 25.08618164 C24.24806025 22.09573 20.93303234 19.26220993 17.5 16.5 C13.31286478 13.1258414 9.28126484 9.62549489 5.3125 6 C4.78269531 5.51853516 4.25289062 5.03707031 3.70703125 4.54101562 C2.45041719 3.3829923 1.22210848 2.19438176 0 1 C0 0.67 0 0.34 0 0 Z " fill="#E4E4E4" transform="translate(3464,2299)"/>
<path d="M0 0 C2.50872751 3.76309126 3.51492723 7.5830652 4.81494141 11.89233398 C6.11910852 16.18643898 7.47756124 20.45246178 8.91796875 24.703125 C9.40390503 26.15948364 9.40390503 26.15948364 9.8996582 27.64526367 C10.53919474 29.55811024 11.18971251 31.46732796 11.85229492 33.37231445 C13.83359535 39.37057242 14.95477646 44.09044709 12 50 C11.34 50 10.68 50 10 50 C8.73211997 44.16599464 7.46884546 38.33101759 6.2097168 32.49511719 C5.78127569 30.51242557 5.35160581 28.52999904 4.9206543 26.54785156 C4.2992884 23.68885009 3.68243564 20.82890546 3.06640625 17.96875 C2.77885216 16.65263733 2.77885216 16.65263733 2.48548889 15.30993652 C1.39354365 10.21571843 0.56879761 5.1794658 0 0 Z " fill="#DEDEDE" transform="translate(2839,2062)"/>
<path d="M0 0 C0.33 0 0.66 0 1 0 C2.53363229 13.73452915 2.53363229 13.73452915 -1.2265625 19.2890625 C-3.71353469 21.71999024 -6.20960974 23.92713867 -9 26 C-10.61276337 21.16170988 -10.33092374 16.90854445 -9 12 C-6.37811056 7.64022983 -3.42571777 3.77487746 0 0 Z " fill="#F7F7F7" transform="translate(2804,2382)"/>
<path d="M0 0 C1.37751062 4.13253187 -0.11765626 6.89599551 -1.5703125 10.80859375 C-1.84841766 11.57172379 -2.12652283 12.33485382 -2.41305542 13.12110901 C-3.00526249 14.73591255 -3.60241437 16.34890989 -4.20410156 17.96020508 C-5.11789038 20.41837452 -6.00494513 22.88510216 -6.890625 25.35351562 C-7.46974257 26.9224708 -8.05042198 28.49085054 -8.6328125 30.05859375 C-9.02534714 31.16188271 -9.02534714 31.16188271 -9.42581177 32.28746033 C-11.14050095 36.78885578 -12.79314585 39.34013706 -17 42 C-18.485 42.495 -18.485 42.495 -20 43 C-18.52727766 38.19970617 -16.58194391 33.82629236 -14.375 29.3359375 C-14.02743652 28.6214444 -13.67987305 27.90695129 -13.32177734 27.17080688 C-12.21798115 24.90383032 -11.10905765 22.6394064 -10 20.375 C-9.25487294 18.84651762 -8.51007801 17.31787329 -7.765625 15.7890625 C-2.27694333 4.52657483 -2.27694333 4.52657483 0 0 Z " fill="#F0F0F0" transform="translate(2692,2539)"/>
<path d="M0 0 C0.33 0 0.66 0 1 0 C0.3578345 7.34944186 -1.09648825 14.32473908 -2.80078125 21.49609375 C-3.07842819 22.68364761 -3.35607513 23.87120148 -3.64213562 25.09474182 C-4.52735737 28.87683033 -5.41965202 32.65720533 -6.3125 36.4375 C-7.19094475 40.17651504 -8.06790194 43.91587482 -8.94406128 47.65542603 C-9.5111957 50.07376249 -10.07995905 52.49171758 -10.65042114 54.90927124 C-11.89191122 60.18474267 -13.113663 65.4607806 -14.23974609 70.76220703 C-14.51180122 72.03681541 -14.51180122 72.03681541 -14.78935242 73.33717346 C-15.1147837 74.87864594 -15.43301556 76.42166384 -15.74250793 77.96641541 C-16.09934751 79.65862796 -16.5405729 81.33271342 -17 83 C-17.99 83.495 -17.99 83.495 -19 84 C-19.17342618 78.42026028 -18.66695941 73.53119014 -17.25585938 68.11523438 C-17.07054153 67.3727948 -16.88522369 66.63035522 -16.69429016 65.86541748 C-16.08635113 63.43918509 -15.46519158 61.01655557 -14.84375 58.59375 C-14.41694115 56.90145276 -13.99096914 55.20894426 -13.5657959 53.51623535 C-12.44963681 49.08200599 -11.3221973 44.65072185 -10.19232178 40.2199707 C-9.03930828 35.69004976 -7.89707288 31.15741389 -6.75390625 26.625 C-4.5130979 17.74732189 -2.26035368 8.8727202 0 0 Z " fill="#A6A6A6" transform="translate(3093,3084)"/>
<path d="M0 0 C1.98486328 1.35058594 1.98486328 1.35058594 4 3 C4.2421875 5.390625 4.2421875 5.390625 3.875 8.25 C3.67849854 9.79578735 3.67849854 9.79578735 3.47802734 11.37280273 C3.17062921 13.70529202 2.84571261 16.03557515 2.49902344 18.36254883 C1.13324753 27.7357367 0.59019666 36.97445103 0.375 46.4375 C0.33666244 47.86264989 0.29760273 49.28778055 0.2578125 50.71289062 C0.1636021 54.14174717 0.07898084 57.57075471 0 61 C-0.33 61 -0.66 61 -1 61 C-1.33 55.72 -1.66 50.44 -2 45 C-2.33 45 -2.66 45 -3 45 C-2.73413936 40.84142884 -2.46758109 36.68290308 -2.20043945 32.52441406 C-2.11008913 31.11654807 -2.01991329 29.70867086 -1.92993164 28.30078125 C-1.32665632 18.86407239 -0.68792687 9.43098667 0 0 Z " fill="#E8E8E8" transform="translate(881,1821)"/>
<path d="M0 0 C0.66 0.33 1.32 0.66 2 1 C2.6530076 6.92371184 0.47974652 10.36795284 -2.375 15.3125 C-8.71297183 26.74730544 -13.35377699 38.80179714 -18 51 C-18.99 51 -19.98 51 -21 51 C-18.94861066 44.47281846 -16.49048135 38.20822052 -13.76953125 31.93359375 C-13.37424728 31.01409439 -12.97896332 30.09459503 -12.57170105 29.14723206 C-11.32205962 26.24249843 -10.0673713 23.33997753 -8.8125 20.4375 C-7.95864833 18.45522284 -7.10512947 16.47280229 -6.25195312 14.49023438 C-4.17181213 9.65849242 -2.08753544 4.82855146 0 0 Z " fill="#E3E3E3" transform="translate(1034,1445)"/>
<path d="M0 0 C0.99 0 1.98 0 3 0 C4.44910395 2.02416353 5.66266686 3.96946272 6.87109375 6.1328125 C7.41649559 7.07699539 7.41649559 7.07699539 7.97291565 8.04025269 C9.13840728 10.06261273 10.28832088 12.09333396 11.4375 14.125 C12.58618742 16.13333314 13.73801434 18.13982338 14.89137268 20.14547729 C15.60828187 21.39459988 16.32197031 22.64557856 17.03184509 23.89871216 C18.66165723 26.76077644 20.34379375 29.49091929 22.23461914 32.19091797 C24.41981437 35.66801054 24.32249011 37.96887363 24 42 C19.70535341 37.1619918 16.80681186 31.56270255 13.6875 25.9375 C12.53198979 23.86937816 11.37574624 21.80166586 10.21875 19.734375 C9.66574219 18.74501953 9.11273437 17.75566406 8.54296875 16.73632812 C6.12637186 12.45069238 3.61457549 8.22514337 1.07421875 4.01171875 C0 2 0 2 0 0 Z " fill="#E9E9E9" transform="translate(3331,2758)"/>
<path d="M0 0 C6.40900977 4.56507679 12.2190161 9.66917468 18 15 C15.15063897 18.00765886 12.76488042 20.27845212 9 22 C7.49394598 18.71106997 5.99619468 15.41842554 4.5 12.125 C4.07074219 11.18785156 3.64148437 10.25070313 3.19921875 9.28515625 C2.79316406 8.38925781 2.38710937 7.49335938 1.96875 6.5703125 C1.59169922 5.74289551 1.21464844 4.91547852 0.82617188 4.06298828 C0 2 0 2 0 0 Z " fill="#F3F3F3" transform="translate(3564,2413)"/>
<path d="M0 0 C0.33 0 0.66 0 1 0 C1.1239816 5.30183459 1.21451776 10.60281794 1.2746582 15.90576172 C1.29973866 17.70799466 1.33381188 19.51012651 1.37719727 21.31201172 C1.4381375 23.90878277 1.46627346 26.50420465 1.48828125 29.1015625 C1.51408768 29.9017984 1.5398941 30.7020343 1.56648254 31.52651978 C1.56856247 35.71404363 1.21949794 38.24776204 -1.46801758 41.55615234 C-4 44 -4 44 -5 44 C-4.48944044 29.21930074 -2.11831739 14.61624279 0 0 Z " fill="#ECECEC" transform="translate(2805,2318)"/>
<path d="M0 0 C0.67010101 -0.00090637 1.34020203 -0.00181274 2.03060913 -0.00274658 C10.46537252 -0.00145285 18.79501747 0.33600352 27.1875 1.1875 C27.1875 1.8475 27.1875 2.5075 27.1875 3.1875 C26.60994965 3.18527939 26.03239929 3.18305878 25.43734741 3.18077087 C19.30280186 3.15825802 13.16826842 3.14340683 7.03369141 3.13256836 C4.75894696 3.12760865 2.48420557 3.12083882 0.20947266 3.11206055 C-14.83045187 3.05556945 -29.79488091 3.35046166 -44.8125 4.1875 C-40.46042234 1.28611489 -36.26511409 1.4490315 -31.125 1.0625 C-30.03807861 0.97830811 -28.95115723 0.89411621 -27.83129883 0.80737305 C-18.55184351 0.16478395 -9.29731796 -0.00081609 0 0 Z " fill="#DDDDDD" transform="translate(1280.8125,1312.8125)"/>
<path d="M0 0 C3.84492089 1.2816403 4.0269922 2.41764495 5.8203125 5.96875 C6.35188965 7.00765381 6.8834668 8.04655762 7.43115234 9.11694336 C7.99012207 10.23335205 8.5490918 11.34976074 9.125 12.5 C10.28565141 14.7829625 11.44711374 17.06551291 12.609375 19.34765625 C13.46692383 21.03979248 13.46692383 21.03979248 14.34179688 22.76611328 C15.82321437 25.65522638 17.34032264 28.5185156 18.890625 31.37109375 C19.31456543 32.15226562 19.73850586 32.9334375 20.17529297 33.73828125 C20.96042288 35.1775263 21.75091377 36.61386297 22.54736328 38.046875 C23.42463945 39.6669694 24.22194853 41.32998345 25 43 C24.67 43.66 24.34 44.32 24 45 C23.34 45 22.68 45 22 45 C19.18279938 39.55849504 16.37129059 34.11410152 13.56494141 28.66699219 C12.61010862 26.81560736 11.65374445 24.96501148 10.69580078 23.11523438 C9.31656848 20.45129659 7.94292729 17.78453978 6.5703125 15.1171875 C6.14315948 14.29507782 5.71600647 13.47296814 5.27590942 12.62594604 C3.1525413 8.48621964 1.31791625 4.48343759 0 0 Z " fill="#E0E0E0" transform="translate(1730,3019)"/>
<path d="M0 0 C1 3 1 3 0.38256836 4.84667969 C0.03846924 5.53149414 -0.30562988 6.21630859 -0.66015625 6.921875 C-1.22827026 8.07792236 -1.22827026 8.07792236 -1.80786133 9.25732422 C-2.22189209 10.07990723 -2.63592285 10.90249023 -3.0625 11.75 C-8.75464066 23.41297172 -13.72063977 34.9636471 -16.9453125 47.5859375 C-18 50 -18 50 -20.1171875 50.8515625 C-20.73851562 50.90054687 -21.35984375 50.94953125 -22 51 C-21.43799944 46.85472335 -20.49888378 43.42068483 -18.77734375 39.61328125 C-18.32480225 38.60072266 -17.87226074 37.58816406 -17.40600586 36.54492188 C-16.92139893 35.47822266 -16.43679199 34.41152344 -15.9375 33.3125 C-14.93602446 31.08008844 -13.93604028 28.84700728 -12.9375 26.61328125 C-12.44121094 25.5042041 -11.94492187 24.39512695 -11.43359375 23.25244141 C-9.00315262 17.73841948 -6.71054423 12.1661914 -4.46264648 6.57543945 C-2.21643238 1.10821619 -2.21643238 1.10821619 0 0 Z " fill="#DFDFDF" transform="translate(914,1732)"/>
<path d="M0 0 C6.8398289 0.60145735 13.24195284 1.86972426 19.875 3.625 C21.37740234 4.02041992 21.37740234 4.02041992 22.91015625 4.42382812 C32.51318964 7.02236758 41.75963308 10.33455213 51 14 C51.74942871 14.29503418 52.49885742 14.59006836 53.27099609 14.89404297 C57.52442032 16.57075781 61.76685931 18.27257488 66 20 C66 20.99 66 21.98 66 23 C65.06542969 22.64284912 64.13085938 22.28569824 63.16796875 21.91772461 C45.37305144 15.13429179 27.66889172 8.5741525 9.26367188 3.61181641 C6.16591812 2.7745676 3.0833168 1.88877028 0 1 C0 0.67 0 0.34 0 0 Z " fill="#C1C1C1" transform="translate(1535,1084)"/>
<path d="M0 0 C0.33 0 0.66 0 1 0 C2.10681724 7.64508028 3.20897181 15.29082302 4.30810547 22.93701172 C4.68141749 25.53026016 5.05574054 28.12336329 5.43115234 30.71630859 C7.51622924 45.12279986 9.54586973 59.51453198 11 74 C8.36239962 71.36239962 8.43218503 69.60521015 7.88671875 65.9296875 C7.69287598 64.65544922 7.4990332 63.38121094 7.29931641 62.06835938 C7.09506358 60.67061877 6.89113277 59.27283108 6.6875 57.875 C6.36449044 55.71003663 6.03922507 53.54541909 5.71392822 51.38079834 C5.48872286 49.88018147 5.26457805 48.3794051 5.04144287 46.878479 C4.25212973 41.59012323 3.40430874 36.31352566 2.52734375 31.0390625 C2.17386856 28.8865214 1.82126071 26.73383993 1.46890259 24.58111572 C1.24155156 23.20530811 1.0106342 21.83008458 0.77597046 20.45550537 C-0.42989963 13.37325297 -1.44965644 7.08720928 0 0 Z " fill="#C0C0C0" transform="translate(1241,1477)"/>
<path d="M0 0 C0 0.66 0 1.32 0 2 C-0.76030518 2.11069824 -1.52061035 2.22139648 -2.30395508 2.33544922 C-5.80709584 2.84665084 -9.30979692 3.36080829 -12.8125 3.875 C-14.6059082 4.13603516 -14.6059082 4.13603516 -16.43554688 4.40234375 C-23.65235201 5.46421698 -30.833785 6.63701581 -38 8 C-38 6.68 -38 5.36 -38 4 C-25.61239411 0.38694828 -12.83224521 -0.3609069 0 0 Z " fill="#E5E5E5" transform="translate(3254,977)"/>
<path d="M0 0 C10.92886712 1.46805678 23.4862548 11.18334687 32 18 C32 18.66 32 19.32 32 20 C29.03396483 19.37359385 26.69247398 18.41727873 24.05859375 16.92578125 C23.31464355 16.50796387 22.57069336 16.09014648 21.80419922 15.65966797 C21.02318848 15.21510254 20.24217773 14.77053711 19.4375 14.3125 C17.8244012 13.40462366 16.21112015 12.49707108 14.59765625 11.58984375 C13.81406738 11.14753418 13.03047852 10.70522461 12.22314453 10.24951172 C7.8408997 7.78648415 3.41978139 5.39485952 -1 3 C-0.67 2.01 -0.34 1.02 0 0 Z " fill="#E9E9E9" transform="translate(3657,1916)"/>
<path d="M0 0 C1.65 0 3.3 0 5 0 C4.32545897 7.8246759 2.73123042 15.34556614 1 23 C-0.98 22.34 -2.96 21.68 -5 21 C-2.525 10.605 -2.525 10.605 0 0 Z " fill="#F5F5F5" transform="translate(3035,3317)"/>
<path d="M0 0 C7.70615891 0.27230244 14.98768644 1.25991865 22.5 2.9375 C23.26489746 3.10733398 24.02979492 3.27716797 24.81787109 3.45214844 C28.70011776 4.3514114 32.34100651 5.38104058 36 7 C36 7.66 36 8.32 36 9 C29.97896728 8.37343069 24.02907328 7.58022064 18.0625 6.5625 C17.28342285 6.43125732 16.5043457 6.30001465 15.70166016 6.16479492 C10.11154709 5.21371949 4.55015435 4.16374204 -1 3 C-0.67 2.01 -0.34 1.02 0 0 Z " fill="#E9E9E9" transform="translate(3515,1412)"/>
<path d="M0 0 C3.39272615 0.57032897 4.81424723 1.49526619 7 4.125 C7.59167969 4.83527344 8.18335937 5.54554688 8.79296875 6.27734375 C9.52128906 7.17582031 10.24960938 8.07429688 11 9 C12.0168689 10.23051683 13.0338008 11.46098161 14.05078125 12.69140625 C15.13917233 14.02249679 16.2264048 15.35453549 17.3125 16.6875 C17.84037109 17.32896973 18.36824219 17.97043945 18.91210938 18.63134766 C21.58755643 21.95494333 23.69645494 24.86815718 25 29 C20.62340105 27.42359469 18.21989156 23.98310965 15.375 20.5 C10.2148021 14.31767983 4.81298751 8.58149686 -1 3 C-0.67 2.01 -0.34 1.02 0 0 Z " fill="#EAEAEA" transform="translate(3627,2439)"/>
<path d="M0 0 C0.33 0 0.66 0 1 0 C2.3198659 6.43434624 2.31758069 12.66655874 1.52734375 19.1640625 C0.70240248 27.12474579 0.63536682 35.12956537 0.4375 43.125 C0.3942145 44.76563385 0.35059737 46.40625899 0.30664062 48.046875 C0.20060372 52.03115984 0.09905423 56.0155357 0 60 C-1.485 60.495 -1.485 60.495 -3 61 C-3.33799824 48.36418611 -2.3273587 35.78759924 -1.5 23.1875 C-1.35509039 20.93426909 -1.210556 18.68101402 -1.06640625 16.42773438 C-0.71526475 10.9515367 -0.35948576 5.47565591 0 0 Z " fill="#E1E1E1" transform="translate(860,2125)"/>
<path d="M0 0 C7.59 0 15.18 0 23 0 C23.33 1.32 23.66 2.64 24 4 C18.82682579 5.06309567 13.87630664 5.11693938 8.625 5.0625 C7.79355469 5.05798828 6.96210937 5.05347656 6.10546875 5.04882812 C4.07028103 5.03713164 2.03513077 5.01919935 0 5 C0 3.35 0 1.7 0 0 Z " fill="#E9E9E9" transform="translate(1119,3314)"/>
<path d="M0 0 C3.25207092 1.41738489 5.31361067 3.12526412 7.75 5.6875 C10.4302304 8.44231937 13.14581567 11.05924859 16.0625 13.5625 C19.28716016 16.33369233 22.28032129 19.25668666 25.2578125 22.2890625 C28.0395671 25.02092016 31.01062664 27.49868759 34 30 C33.01 30.66 32.02 31.32 31 32 C30.443125 31.43152344 29.88625 30.86304687 29.3125 30.27734375 C25.74282862 26.66546342 22.19112031 23.0937623 18.3125 19.8125 C14.20168873 16.27937911 10.3503333 12.49926729 6.5 8.6875 C5.86360596 8.06399658 5.22721191 7.44049316 4.5715332 6.7980957 C3.98073975 6.20859131 3.38994629 5.61908691 2.78125 5.01171875 C2.24564453 4.48022217 1.71003906 3.94872559 1.15820312 3.40112305 C0 2 0 2 0 0 Z " fill="#E4E4E4" transform="translate(1949,2984)"/>
<path d="M0 0 C0 0.66 0 1.32 0 2 C-10.22855429 5.06585314 -20.48819251 7.98109123 -30.80053711 10.75268555 C-35.24437444 11.95286877 -39.6711046 13.18470949 -44.07421875 14.52734375 C-44.85603516 14.76517578 -45.63785156 15.00300781 -46.44335938 15.24804688 C-47.90149389 15.69602032 -49.35739618 16.1513491 -50.81054688 16.61523438 C-55.6722168 18.10926107 -55.6722168 18.10926107 -59 17 C-47.07507331 12.97343664 -35.11385064 9.08461891 -23.08935547 5.36547852 C-21.33343712 4.82095509 -19.57858274 4.272991 -17.82470703 3.72192383 C-15.24987797 2.91295472 -12.67226401 2.11353994 -10.09375 1.31640625 C-9.30746216 1.06758194 -8.52117432 0.81875763 -7.71105957 0.56239319 C-2.22840146 -1.11420073 -2.22840146 -1.11420073 0 0 Z " fill="#C3C3C3" transform="translate(3023,1039)"/>
<path d="M0 0 C0.66 0 1.32 0 2 0 C1.47030818 8.07001064 0.16333777 15.79312161 -1.5625 23.6875 C-1.79646484 24.78255859 -2.03042969 25.87761719 -2.27148438 27.00585938 C-2.84193863 29.67185989 -3.41818224 32.33646071 -4 35 C-4.66 35 -5.32 35 -6 35 C-6.2800983 28.45503649 -5.22108873 22.25299302 -4.125 15.8125 C-3.95097656 14.73291016 -3.77695313 13.65332031 -3.59765625 12.54101562 C-3.42363281 11.50267578 -3.24960938 10.46433594 -3.0703125 9.39453125 C-2.91320801 8.45456299 -2.75610352 7.51459473 -2.59423828 6.54614258 C-2.02251812 4.09648378 -1.22626468 2.18526655 0 0 Z " fill="#E6E6E6" transform="translate(1496,1175)"/>
<path d="M0 0 C0.66 0.33 1.32 0.66 2 1 C0.92492371 2.29854721 -0.16043736 3.58858361 -1.25 4.875 C-1.85328125 5.59429688 -2.4565625 6.31359375 -3.078125 7.0546875 C-5 9 -5 9 -6.925354 9.94299316 C-9.06858379 11.03494261 -10.41963049 12.1661734 -12.11621094 13.85742188 C-12.98666046 14.71841492 -12.98666046 14.71841492 -13.87469482 15.59680176 C-14.48838928 16.21454468 -15.10208374 16.8322876 -15.734375 17.46875 C-16.37240051 18.10486206 -17.01042603 18.74097412 -17.66778564 19.3963623 C-19.01161574 20.73883387 -20.35293329 22.08382461 -21.69189453 23.43115234 C-23.74942465 25.49942165 -25.81744049 27.55677328 -27.88671875 29.61328125 C-29.19074625 30.91862971 -30.49415356 32.2245981 -31.796875 33.53125 C-32.72956207 34.45786438 -32.72956207 34.45786438 -33.68109131 35.40319824 C-36.89421314 38.1854906 -36.89421314 38.1854906 -38 42 C-40.475 42.495 -40.475 42.495 -43 43 C-38.5909418 37.72554436 -33.94867252 32.80185349 -29.08203125 27.94921875 C-28.34297043 27.2092012 -27.60390961 26.46918365 -26.842453 25.70674133 C-25.29146042 24.15507235 -23.73922074 22.604649 -22.18579102 21.05541992 C-19.80564031 18.68065584 -17.43091232 16.30056219 -15.05664062 13.91992188 C-13.54459163 12.40853316 -12.03223275 10.8974544 -10.51953125 9.38671875 C-9.81012894 8.67529221 -9.10072662 7.96386566 -8.36982727 7.23088074 C-7.70871445 6.57292007 -7.04760162 5.91495941 -6.36645508 5.23706055 C-5.78720779 4.65860886 -5.20796051 4.08015717 -4.61116028 3.48417664 C-3 2 -3 2 0 0 Z " fill="#DEDEDE" transform="translate(2521,2706)"/>
<path d="M0 0 C2.0291222 2.59235043 3.68608074 5.12922854 5.14477539 8.07836914 C5.73537498 9.26463646 5.73537498 9.26463646 6.33790588 10.47486877 C6.7536235 11.31976364 7.16934113 12.16465851 7.59765625 13.03515625 C8.03258896 13.91022324 8.46752167 14.78529022 8.91563416 15.68687439 C10.3017441 18.47687309 11.68246735 21.2694909 13.0625 24.0625 C14.44679635 26.85872577 15.83225907 29.65435785 17.22007751 32.44883728 C18.08261505 34.1861521 18.94301166 35.92453183 19.80104065 37.66407776 C20.19162155 38.45177048 20.58220245 39.2394632 20.98461914 40.05102539 C21.49733116 41.08882896 21.49733116 41.08882896 22.020401 42.14759827 C23.0871961 44.24062917 23.0871961 44.24062917 25 47 C24.67 47.99 24.34 48.98 24 50 C19.97043066 42.68263896 15.97576823 35.34672161 12 28 C11.42378906 26.9378125 10.84757812 25.875625 10.25390625 24.78125 C8.57401723 21.67288392 6.90984256 18.55660826 5.25 15.4375 C4.46254395 13.98525024 4.46254395 13.98525024 3.65917969 12.50366211 C3.17868164 11.59366455 2.69818359 10.68366699 2.203125 9.74609375 C1.56358887 8.55004517 1.56358887 8.55004517 0.91113281 7.32983398 C-0.10570013 4.72971696 -0.17294983 2.76750386 0 0 Z " fill="#D6D6D6" transform="translate(1096,1800)"/>
<path d="M0 0 C0.66 0 1.32 0 2 0 C3.00097326 6.04995538 3.99777654 12.10057745 4.99072266 18.15185547 C5.3290947 20.21031244 5.66860524 22.26858259 6.00927734 24.32666016 C6.49876586 27.28499749 6.98415548 30.24398258 7.46875 33.203125 C7.62186646 34.12305237 7.77498291 35.04297974 7.93273926 35.99078369 C8.07288452 36.8513739 8.21302979 37.71196411 8.35742188 38.59863281 C8.48177612 39.35364075 8.60613037 40.10864868 8.73425293 40.88653564 C9 43 9 43 9 47 C8.34 47 7.68 47 7 47 C5.06341759 39.08173082 3.88112591 31.07334905 2.71289062 23.0144043 C2.37317122 20.67490598 2.02677128 18.33646275 1.6796875 15.99804688 C1.46054138 14.50266216 1.24177763 13.00722136 1.0234375 11.51171875 C0.92034271 10.81688889 0.81724792 10.12205902 0.71102905 9.40617371 C0.25194419 6.21309261 0 3.23778183 0 0 Z " fill="#DBDBDB" transform="translate(1425,2714)"/>
<path d="M0 0 C2.71257833 3.35070979 4.6691593 6.98429614 6.609375 10.8125 C7.10597626 11.78860229 7.10597626 11.78860229 7.61260986 12.78442383 C8.30728612 14.15495799 8.99968891 15.52664661 9.68994141 16.89941406 C10.7494056 18.99882215 11.82562196 21.08908952 12.90234375 23.1796875 C13.57657288 24.51509436 14.2497854 25.85101507 14.921875 27.1875 C15.24573181 27.81052002 15.56958862 28.43354004 15.90325928 29.07543945 C17.20610503 31.70803098 18.06796761 33.46402682 17.69238281 36.42578125 C17.46389648 36.94527344 17.23541016 37.46476562 17 38 C14.59160779 33.51895162 12.18902671 29.03485535 9.79174805 24.54785156 C8.97562591 23.02226237 8.15792986 21.49751406 7.33862305 19.97363281 C6.16038604 17.78149749 4.98786584 15.58638795 3.81640625 13.390625 C3.44971329 12.7113092 3.08302032 12.03199341 2.70521545 11.33209229 C1.07223796 8.25901988 -0.40130443 5.44073623 -1 2 C-0.67 1.34 -0.34 0.68 0 0 Z " fill="#E9E9E9" transform="translate(1078,1765)"/>
<path d="M0 0 C2.125 0.9375 2.125 0.9375 4 2 C-0.53782597 6.8403477 -5.59800548 11.14689594 -11 15 C-11.66 15 -12.32 15 -13 15 C-13.33 13.68 -13.66 12.36 -14 11 C-12.04364894 9.35175927 -10.08504561 7.70633688 -8.125 6.0625 C-7.56941406 5.59392578 -7.01382813 5.12535156 -6.44140625 4.64257812 C-2.2265625 1.11328125 -2.2265625 1.11328125 0 0 Z " fill="#EEEEEE" transform="translate(2091,3634)"/>
<path d="M0 0 C4.32187075 1.49169046 7.82871856 3.77299294 11.5 6.4375 C12.10875977 6.87562012 12.71751953 7.31374023 13.34472656 7.76513672 C18.76159907 11.71931368 23.8659565 15.99129399 28.93359375 20.37890625 C32.59857396 23.54501293 36.42293823 26.49989394 40.26953125 29.44140625 C40.84058594 29.95574219 41.41164063 30.47007812 42 31 C42 31.66 42 32.32 42 33 C37.89136811 31.3123468 34.84430053 28.40447274 31.5625 25.5 C22.10535214 17.26517082 12.17820457 9.74831337 1.94921875 2.49609375 C1.30597656 2.00238281 0.66273437 1.50867188 0 1 C0 0.67 0 0.34 0 0 Z " fill="#D5D5D5" transform="translate(1904,969)"/>
<path d="M0 0 C0 1.32 0 2.64 0 4 C-8.91 6.97 -8.91 6.97 -18 10 C-18.33 8.35 -18.66 6.7 -19 5 C-16.77417611 4.15665671 -14.54503974 3.32521449 -12.3125 2.5 C-11.68666016 2.26152344 -11.06082031 2.02304688 -10.41601562 1.77734375 C-6.81807701 0.4587275 -3.83479747 -0.29329235 0 0 Z " fill="#EDEDED" transform="translate(1589,3554)"/>
<path d="M0 0 C3.93214301 1.58939426 6.33020346 4.16342502 9.25 7.1875 C13.05927994 11.08812654 16.95832887 14.78521343 21.10546875 18.32421875 C23.85713605 20.75816776 26.39771882 23.38576879 28.96875 26.0078125 C31.69398716 28.68064125 34.59066708 31.12305162 37.53125 33.5546875 C38.25828125 34.27011719 38.25828125 34.27011719 39 35 C39 35.66 39 36.32 39 37 C35.86120619 35.6124182 33.77745205 34.00476592 31.390625 31.55078125 C30.71773437 30.86693359 30.04484375 30.18308594 29.3515625 29.47851562 C28.65804688 28.76373047 27.96453125 28.04894531 27.25 27.3125 C22.60728103 22.55062379 17.91298694 17.97440712 12.87011719 13.63647461 C10.13042375 11.23906402 7.57093074 8.70307222 5 6.125 C4.51144531 5.6403125 4.02289062 5.155625 3.51953125 4.65625 C0 1.12686012 0 1.12686012 0 0 Z " fill="#C7C7C7" transform="translate(1899,2937)"/>
<path d="M0 0 C3.87607972 1.61119703 6.67178935 4.22583402 9.6875 7.0625 C10.23623779 7.57329102 10.78497559 8.08408203 11.3503418 8.61035156 C19.08958898 15.87799339 26.53768882 23.45024512 34 31 C31 31 31 31 28.80078125 29.05859375 C27.56908203 27.76115234 27.56908203 27.76115234 26.3125 26.4375 C22.63324779 22.64059729 18.88633414 19.08589941 14.87109375 15.65234375 C12.35226007 13.42798749 10.02378837 11.03870304 7.67578125 8.63671875 C6.04158303 7.04061373 4.34653263 5.61221926 2.5625 4.1875 C1.716875 3.465625 0.87125 2.74375 0 2 C0 1.34 0 0.68 0 0 Z " fill="#E0E0E0" transform="translate(1062,2144)"/>
<path d="M0 0 C4.91885866 0.56948618 9.22112349 1.63855555 13.875 3.3125 C22.10539675 6.19087284 30.49146056 8.13582796 39 10 C38.34 10.33 37.68 10.66 37 11 C37 11.66 37 12.32 37 13 C28.88823913 10.85851957 20.87186293 8.47297595 12.875 5.9375 C11.740625 5.58623047 10.60625 5.23496094 9.4375 4.87304688 C8.36242188 4.53208984 7.28734375 4.19113281 6.1796875 3.83984375 C5.20757324 3.53425537 4.23545898 3.22866699 3.23388672 2.91381836 C1 2 1 2 0 0 Z " fill="#D4D4D4" transform="translate(1536,3185)"/>
<path d="M0 0 C6.24388518 6.24388518 5.6609179 16.78018222 6 25 C4.97676564 23.68441297 3.98244845 22.34631825 3 21 C2.44699219 20.26394531 1.89398437 19.52789063 1.32421875 18.76953125 C-0.44551032 15.06823947 -0.32711522 11.6933829 -0.1875 7.6875 C-0.17396484 6.94693359 -0.16042969 6.20636719 -0.14648438 5.44335938 C-0.11135979 3.62858925 -0.05755972 1.81419712 0 0 Z " fill="#DFDFDF" transform="translate(1351,2265)"/>
<path d="M0 0 C0.33 0.66 0.66 1.32 1 2 C-4.26564193 4.85222271 -9.67230109 7.15278069 -15.25 9.3125 C-15.94738281 9.59109863 -16.64476562 9.86969727 -17.36328125 10.15673828 C-23.57062155 12.51140133 -23.57062155 12.51140133 -27 11 C-27 10.34 -27 9.68 -27 9 C-18.09 6.03 -9.18 3.06 0 0 Z " fill="#DFDFDF" transform="translate(1684,3520)"/>
<path d="M0 0 C0.66 0 1.32 0 2 0 C1.24581335 8.11914519 -0.12570661 16.12355459 -1.52905273 24.15039062 C-1.94111315 26.52078478 -2.34066368 28.89309771 -2.74023438 31.265625 C-3.00183778 32.77096672 -3.2641802 34.27618024 -3.52734375 35.78125 C-3.6451268 36.49156372 -3.76290985 37.20187744 -3.88426208 37.93371582 C-4.18923684 39.63583933 -4.58621779 41.32100675 -5 43 C-5.99 43.495 -5.99 43.495 -7 44 C-7.31321092 37.10935974 -6.12908009 30.95921119 -4.625 24.25 C-2.85319846 16.19448371 -1.28202752 8.14912545 0 0 Z " fill="#DBDBDB" transform="translate(1257,2467)"/>
<path d="M0 0 C1.32 0 2.64 0 4 0 C2.47146065 4.27186525 0.28490519 7.99326863 -2.125 11.8125 C-2.49753906 12.40998047 -2.87007812 13.00746094 -3.25390625 13.62304688 C-4.1657048 15.08426251 -5.08235976 16.54244585 -6 18 C-6.99 17.67 -7.98 17.34 -9 17 C-8.32890703 12.95340956 -6.27877054 9.70382249 -4.1875 6.25 C-3.84396484 5.64800781 -3.50042969 5.04601563 -3.14648438 4.42578125 C-2.10546875 2.703125 -2.10546875 2.703125 0 0 Z " fill="#EDEDED" transform="translate(2593,3547)"/>
<path d="M0 0 C2.94583579 2.56272766 4.44530523 5.46385256 6.21484375 8.91796875 C7.12073242 10.67657227 7.12073242 10.67657227 8.04492188 12.47070312 C8.6758783 13.70958599 9.306737 14.94851864 9.9375 16.1875 C10.56393756 17.40716598 11.1908859 18.62656976 11.81835938 19.84570312 C14.91818709 25.87752665 17.98225695 31.92669756 21 38 C20.01 38.495 20.01 38.495 19 39 C16.93629107 35.01681161 14.87333294 31.03323552 12.81103516 27.04931641 C12.11104033 25.69732456 11.41084927 24.3454343 10.71044922 22.99365234 C8.4679257 18.66535801 6.23211659 14.33367068 4 10 C3.3184082 8.68708984 3.3184082 8.68708984 2.62304688 7.34765625 C0 2.23109568 0 2.23109568 0 0 Z " fill="#D2D2D2" transform="translate(1692,2945)"/>
<path d="M0 0 C3.73359373 0.52155824 5.6514008 1.22025188 8.3125 3.875 C14.59797892 9.69849014 21.90329106 14.2372815 29 19 C28.67 19.99 28.34 20.98 28 22 C25.01930289 19.8145796 22.04073706 17.62627139 19.0625 15.4375 C18.23169922 14.82841797 17.40089844 14.21933594 16.54492188 13.59179688 C3.81407466 4.22942286 3.81407466 4.22942286 0 1 C0 0.67 0 0.34 0 0 Z " fill="#E4E4E4" transform="translate(1208,2948)"/>
<path d="M0 0 C0.33 0 0.66 0 1 0 C0.43404509 7.50071979 -0.8282138 14.71983847 -2.4375 22.0625 C-2.65470703 23.10599609 -2.87191406 24.14949219 -3.09570312 25.22460938 C-3.31033203 26.21396484 -3.52496094 27.20332031 -3.74609375 28.22265625 C-3.93872803 29.11734619 -4.1313623 30.01203613 -4.32983398 30.93383789 C-4.66156616 31.95658813 -4.66156616 31.95658813 -5 33 C-5.99 33.495 -5.99 33.495 -7 34 C-7.40916593 26.80912635 -5.88907198 20.55510605 -4.0625 13.625 C-3.78470703 12.53316406 -3.50691406 11.44132812 -3.22070312 10.31640625 C-1.16952328 2.33904656 -1.16952328 2.33904656 0 0 Z " fill="#CCCCCC" transform="translate(3081,3134)"/>
<path d="M0 0 C4.19918185 -0.07430494 8.39801274 -0.12867413 12.59765625 -0.16479492 C14.02545846 -0.17985681 15.4532146 -0.20031062 16.88085938 -0.22631836 C18.93631373 -0.26281842 20.99115505 -0.27975166 23.046875 -0.29296875 C24.90070801 -0.31653442 24.90070801 -0.31653442 26.79199219 -0.34057617 C30.20161411 0.02140424 31.54581495 0.67709778 34 3 C22.50479125 3.28189885 11.39970808 2.47773994 0 1 C0 0.67 0 0.34 0 0 Z " fill="#E7E7E7" transform="translate(3336,1404)"/>
<path d="M0 0 C0.33 0.66 0.66 1.32 1 2 C-0.09228516 4.47094727 -0.09228516 4.47094727 -1.7890625 7.56640625 C-2.40136719 8.69240234 -3.01367188 9.81839844 -3.64453125 10.97851562 C-4.30452607 12.17326627 -4.96468337 13.36792718 -5.625 14.5625 C-6.25535156 15.71814453 -6.88570312 16.87378906 -7.53515625 18.06445312 C-10.99251339 24.3933574 -14.48749922 30.70154556 -18 37 C-18.66 36.67 -19.32 36.34 -20 36 C-18.63981742 32.40075386 -17.03292649 29.10798559 -15.13671875 25.76171875 C-14.57919922 24.77623047 -14.02167969 23.79074219 -13.44726562 22.77539062 C-12.86654297 21.75638672 -12.28582031 20.73738281 -11.6875 19.6875 C-11.11837891 18.68009766 -10.54925781 17.67269531 -9.96289062 16.63476562 C-6.76752929 11.00344571 -3.47782732 5.46142865 0 0 Z " fill="#D8D8D8" transform="translate(1133,2263)"/>
<path d="M0 0 C0 1.65 0 3.3 0 5 C-1.60149886 5.67305018 -3.20631029 6.33822227 -4.8125 7 C-5.70582031 7.37125 -6.59914063 7.7425 -7.51953125 8.125 C-10 9 -10 9 -13 9 C-13 7.35 -13 5.7 -13 4 C-11.2097939 3.32942113 -9.41778511 2.6636531 -7.625 2 C-6.62726563 1.62875 -5.62953125 1.2575 -4.6015625 0.875 C-2 0 -2 0 0 0 Z " fill="#EBEBEB" transform="translate(1560,3563)"/>
<path d="M0 0 C1 3 1 3 0.15136719 4.90112305 C-0.29561523 5.59761963 -0.74259766 6.29411621 -1.203125 7.01171875 C-1.68910156 7.76904297 -2.17507812 8.52636719 -2.67578125 9.30664062 C-3.19527344 10.09232422 -3.71476562 10.87800781 -4.25 11.6875 C-4.75402344 12.48478516 -5.25804688 13.28207031 -5.77734375 14.10351562 C-6.26847656 14.85697266 -6.75960937 15.61042969 -7.265625 16.38671875 C-7.71711914 17.07983154 -8.16861328 17.77294434 -8.63378906 18.48706055 C-9.08463867 18.98633057 -9.53548828 19.48560059 -10 20 C-10.99 20 -11.98 20 -13 20 C-11.41807245 15.49494547 -9.08302964 11.72770059 -6.5 7.75 C-6.09652344 7.11320312 -5.69304688 6.47640625 -5.27734375 5.8203125 C-2.25053964 1.12526982 -2.25053964 1.12526982 0 0 Z " fill="#E9E9E9" transform="translate(2618,3511)"/>
<path d="M0 0 C0.66 0.33 1.32 0.66 2 1 C2.55423996 6.62899961 0.85405659 9.7564422 -2 14.375 C-2.3815625 15.01566406 -2.763125 15.65632813 -3.15625 16.31640625 C-4.09250152 17.88462755 -5.04467157 19.44332645 -6 21 C-6.66 21 -7.32 21 -8 21 C-6.033631 13.63011293 -3.30417422 6.86954798 0 0 Z " fill="#EAEAEA" transform="translate(1034,1445)"/>
<path d="M0 0 C4.29 0 8.58 0 13 0 C13 1.65 13 3.3 13 5 C8.71 5 4.42 5 0 5 C0 3.35 0 1.7 0 0 Z " fill="#FDFDFD" transform="translate(1095,3314)"/>
<path d="M0 0 C2.72675159 2.40689803 4.11966596 4.92471023 5.6875 8.1875 C6.12449219 9.08855469 6.56148437 9.98960937 7.01171875 10.91796875 C7.33785156 11.60503906 7.66398437 12.29210938 8 13 C4.535 14.485 4.535 14.485 1 16 C0.08342019 10.61509359 -0.11138159 5.45769811 0 0 Z " fill="#EFEFEF" transform="translate(3382,2886)"/>
<path d="M0 0 C0.99 0.33 1.98 0.66 3 1 C3.33 1.99 3.66 2.98 4 4 C-0.455 7.96 -0.455 7.96 -5 12 C-5.99 11.01 -6.98 10.02 -8 9 C-6.40758592 4.70048197 -3.64459275 2.60328053 0 0 Z " fill="#EFEFEF" transform="translate(2066,3653)"/>
<path d="M0 0 C-2.75761097 1.83840731 -4.78076719 2.69954621 -7.89453125 3.69140625 C-9.32829102 4.14870117 -9.32829102 4.14870117 -10.79101562 4.61523438 C-11.78810547 4.92783203 -12.78519531 5.24042969 -13.8125 5.5625 C-14.79798828 5.87896484 -15.78347656 6.19542969 -16.79882812 6.52148438 C-21.51181266 8.01229412 -26.07551532 9.38966489 -31 10 C-30.67 9.01 -30.34 8.02 -30 7 C-27.67089844 6.0168457 -27.67089844 6.0168457 -24.609375 5.17578125 C-23.50722656 4.86962891 -22.40507813 4.56347656 -21.26953125 4.24804688 C-19.52736328 3.78495117 -19.52736328 3.78495117 -17.75 3.3125 C-16.60402344 2.99216797 -15.45804688 2.67183594 -14.27734375 2.34179688 C-4.94171255 -0.20675437 -4.94171255 -0.20675437 0 0 Z " fill="#CFCFCF" transform="translate(1138,1597)"/>
<path d="M0 0 C0.99 0.33 1.98 0.66 3 1 C3.50534727 3.72827365 4.00443845 6.45744694 4.5 9.1875 C4.64308594 9.95642578 4.78617188 10.72535156 4.93359375 11.51757812 C5.63238715 15.39421773 6.19039017 19.041471 6 23 C5.01 23.33 4.02 23.66 3 24 C2.49357075 20.93852743 1.99600678 17.87567701 1.5 14.8125 C1.35691406 13.94818359 1.21382812 13.08386719 1.06640625 12.19335938 C0.40685738 8.09473423 -0.20709266 4.16773976 0 0 Z " fill="#E1E1E1" transform="translate(1433,2770)"/>
<path d="M0 0 C0.33 0 0.66 0 1 0 C1.3690205 16.8929385 1.3690205 16.8929385 -1 24 C-1.66 23.67 -2.32 23.34 -3 23 C-3.34937193 14.74447081 -2.94397288 7.7629761 0 0 Z " fill="#EFEFEF" transform="translate(1333,2018)"/>
<path d="M0 0 C1.32 0.66 2.64 1.32 4 2 C2.02 5.63 0.04 9.26 -2 13 C-3.32 13 -4.64 13 -6 13 C-6.33 12.34 -6.66 11.68 -7 11 C-5.56640625 8.3984375 -5.56640625 8.3984375 -3.5625 5.375 C-2.90378906 4.37210938 -2.24507812 3.36921875 -1.56640625 2.3359375 C-1.04949219 1.56507813 -0.53257812 0.79421875 0 0 Z " fill="#EBEBEB" transform="translate(2577,3572)"/>
<path d="M0 0 C0.33 0.99 0.66 1.98 1 3 C1.66 3 2.32 3 3 3 C2.41661467 6.62866566 1.8048079 10.25196383 1.1875 13.875 C1.02185547 14.90753906 0.85621094 15.94007812 0.68554688 17.00390625 C0.51474609 17.99003906 0.34394531 18.97617188 0.16796875 19.9921875 C0.01610107 20.90339355 -0.1357666 21.81459961 -0.29223633 22.75341797 C-1 25 -1 25 -4 27 C-3.28174711 20.97504376 -2.39912131 14.99057867 -1.4375 9 C-1.29892578 8.12988281 -1.16035156 7.25976562 -1.01757812 6.36328125 C-0.67957148 4.24199817 -0.33995416 2.12097184 0 0 Z " fill="#DFDFDF" transform="translate(1489,1207)"/>
<path d="M0 0 C10.55808656 -0.18451025 10.55808656 -0.18451025 15 1 C14.67 2.98 14.34 4.96 14 7 C10.2397015 6.41892368 7.46964968 5.34800504 4.1875 3.4375 C3.39730469 2.98246094 2.60710938 2.52742188 1.79296875 2.05859375 C1.20128906 1.70925781 0.60960938 1.35992188 0 1 C0 0.67 0 0.34 0 0 Z " fill="#E2E2E2" transform="translate(3458,1431)"/>
<path d="M0 0 C0.66 0.66 1.32 1.32 2 2 C1.54033671 9.08717221 -0.14217098 16.05351687 -1.5625 23 C-1.79646484 24.15628906 -2.03042969 25.31257813 -2.27148438 26.50390625 C-2.84502267 29.33648314 -3.42126068 32.16848202 -4 35 C-4.33 35 -4.66 35 -5 35 C-4.55212563 23.1313292 -2.25392716 11.63302086 0 0 Z " fill="#BEBEBE" transform="translate(1477,1275)"/>
<path d="M0 0 C-1.49671541 4.49014624 -3.83368341 8.47848764 -7 12 C-7.66 12 -8.32 12 -9 12 C-9.875 9.375 -9.875 9.375 -10 6 C-7.23458851 1.75140934 -5.12874235 0 0 0 Z " fill="#E4E4E4" transform="translate(1051,1426)"/>
<path d="M0 0 C2.72441178 2.46460033 4.46538619 5.18564128 6.35546875 8.32421875 C6.97744141 9.35224609 7.59941406 10.38027344 8.24023438 11.43945312 C8.88283203 12.51130859 9.52542969 13.58316406 10.1875 14.6875 C10.84169922 15.77095703 11.49589844 16.85441406 12.16992188 17.97070312 C13.78382371 20.64483244 15.3936759 23.32131433 17 26 C16.34 26.99 15.68 27.98 15 29 C14.72325439 28.49662109 14.44650879 27.99324219 14.16137695 27.47460938 C12.88075899 25.14844214 11.59664945 22.82421943 10.3125 20.5 C9.87744141 19.70851563 9.44238281 18.91703125 8.99414062 18.1015625 C6.45782039 13.51739852 3.82100397 9.06450158 0.90698242 4.70898438 C0 3 0 3 0 0 Z " fill="#D1D1D1" transform="translate(3296,2697)"/>
<path d="M0 0 C0.66 0 1.32 0 2 0 C5.44419134 18.82004556 5.44419134 18.82004556 5 28 C3.52597395 25.28684943 2.65283188 22.92540405 2.1484375 19.8828125 C2.01953125 19.11066406 1.890625 18.33851562 1.7578125 17.54296875 C1.63148437 16.74503906 1.50515625 15.94710938 1.375 15.125 C1.2409375 14.33480469 1.106875 13.54460937 0.96875 12.73046875 C0.2690503 8.43945323 -0.15435881 4.36414457 0 0 Z " fill="#ECECEC" transform="translate(1236,1452)"/>
<path d="M0 0 C0.99 0 1.98 0 3 0 C4.74636481 2.44971999 6.29157431 4.85278561 7.8125 7.4375 C8.70080781 8.90556263 9.59012659 10.37301401 10.48046875 11.83984375 C10.91020996 12.55382324 11.33995117 13.26780273 11.78271484 14.00341797 C14.06662598 17.74947198 16.52520557 21.37834962 19 25 C18.01 25 17.02 25 16 25 C14.19067383 22.81274414 14.19067383 22.81274414 12.20703125 19.78515625 C11.49482422 18.70685547 10.78261719 17.62855469 10.04882812 16.51757812 C9.3033708 15.36589488 8.55792828 14.21420205 7.8125 13.0625 C7.05624102 11.91411871 6.29909024 10.76632418 5.54101562 9.61914062 C0 1.17400762 0 1.17400762 0 0 Z " fill="#D1D1D1" transform="translate(976,2618)"/>
<path d="M0 0 C0.66 0 1.32 0 2 0 C4.83293643 11.38445152 6.68022576 22.26428546 7 34 C6.67 34 6.34 34 6 34 C5.18312809 29.83417827 4.37229372 25.66720295 3.5625 21.5 C3.21735352 19.74042969 3.21735352 19.74042969 2.86523438 17.9453125 C1.70772237 11.97322159 0.65133134 6.04914625 0 0 Z " fill="#CDCDCD" transform="translate(3446,2973)"/>
<path d="M0 0 C4 1.33333333 8 2.66666667 12 4 C11.67 5.65 11.34 7.3 11 9 C7 9 7 9 5.078125 7.5390625 C4.47484375 6.90742187 3.8715625 6.27578125 3.25 5.625 C2.32960938 4.68527344 2.32960938 4.68527344 1.390625 3.7265625 C0 2 0 2 0 0 Z " fill="#E7E7E7" transform="translate(3598,1916)"/>
<path d="M0 0 C0.33 0 0.66 0 1 0 C1 11.22 1 22.44 1 34 C0.67 34 0.34 34 0 34 C-0.33 28.72 -0.66 23.44 -1 18 C-1.33 18 -1.66 18 -2 18 C-1.85946128 15.37461716 -1.71281053 12.74982573 -1.5625 10.125 C-1.52318359 9.37863281 -1.48386719 8.63226562 -1.44335938 7.86328125 C-1.11328125 2.2265625 -1.11328125 2.2265625 0 0 Z " fill="#D1D1D1" transform="translate(880,1848)"/>
<path d="M0 0 C2.67927341 4.01891012 2.15601248 6.24161923 2 11 C-2.75 9.125 -2.75 9.125 -5 8 C-4.64950425 4.75791433 -4.43778819 3.38472296 -1.9375 1.1875 C-1.298125 0.795625 -0.65875 0.40375 0 0 Z " fill="#F2F2F2" transform="translate(860,2201)"/>
<path d="M0 0 C-2.63011493 2.63011493 -5.65310548 3.57166394 -9.0625 4.875 C-14.2545919 6.89211187 -19.34916167 8.99816424 -24.36328125 11.43359375 C-25.17345703 11.71396484 -25.17345703 11.71396484 -26 12 C-26.66 11.67 -27.32 11.34 -28 11 C-3.76060458 -1.25353486 -3.76060458 -1.25353486 0 0 Z " fill="#D5D5D5" transform="translate(1058,1622)"/>
<path d="M0 0 C-0.66 3.96 -1.32 7.92 -2 12 C-6.875 7.375 -6.875 7.375 -8 4 C-5.57415142 1.34311822 -3.76063134 0 0 0 Z " fill="#EFEFEF" transform="translate(891,1798)"/>
<path d="M0 0 C0.33 0.66 0.66 1.32 1 2 C-1.76791945 2.86478781 -4.53865626 3.71711674 -7.3125 4.5625 C-8.09818359 4.80935547 -8.88386719 5.05621094 -9.69335938 5.31054688 C-10.45068359 5.53935547 -11.20800781 5.76816406 -11.98828125 6.00390625 C-12.68477783 6.21861572 -13.38127441 6.4333252 -14.09887695 6.65454102 C-16 7 -16 7 -19 6 C-16.12790213 3.63201169 -13.63088082 2.35167408 -10.0625 1.3125 C-9.22847656 1.06113281 -8.39445312 0.80976562 -7.53515625 0.55078125 C-4.94407689 -0.0121497 -2.64272387 -0.09927943 0 0 Z " fill="#E8E8E8" transform="translate(3076,1023)"/>
<path d="M0 0 C2.75236304 1.27979454 4.98108378 2.66368208 7.27734375 4.64453125 C8.17163086 5.41313477 8.17163086 5.41313477 9.08398438 6.19726562 C9.69564453 6.73029297 10.30730469 7.26332031 10.9375 7.8125 C11.54529297 8.33392578 12.15308594 8.85535156 12.77929688 9.39257812 C16.33518821 12.46514442 19.72086289 15.63375109 23 19 C18.82340667 19 17.16102869 16.68359567 14.3125 13.9375 C13.24164204 12.92758253 12.17002517 11.91846917 11.09765625 10.91015625 C10.57316895 10.41402832 10.04868164 9.91790039 9.50830078 9.40673828 C6.85582774 6.93287138 4.09172745 4.59012617 1.328125 2.2421875 C0.88984375 1.83226563 0.4515625 1.42234375 0 1 C0 0.67 0 0.34 0 0 Z " fill="#D3D3D3" transform="translate(3464,2299)"/>
<path d="M0 0 C0 0.66 0 1.32 0 2 C-2.26882087 2.83919398 -4.53977027 3.67151724 -6.8125 4.5 C-7.77639648 4.85771484 -7.77639648 4.85771484 -8.75976562 5.22265625 C-11.64933739 6.27068746 -13.90076061 7 -17 7 C-17.33 6.01 -17.66 5.02 -18 4 C-15.75194998 3.32678716 -13.50147776 2.66165877 -11.25 2 C-9.99703125 1.62875 -8.7440625 1.2575 -7.453125 0.875 C-4 0 -4 0 0 0 Z " fill="#C8C8C8" transform="translate(1098,1608)"/>
<path d="M0 0 C1.1055189 0.93590504 2.20935453 1.87379858 3.3125 2.8125 C3.92738281 3.33457031 4.54226563 3.85664063 5.17578125 4.39453125 C8.51952278 7.3373102 8.51952278 7.3373102 10 9 C10 9.66 10 10.32 10 11 C7.8125 11.375 7.8125 11.375 5 11 C1.99916853 8.13253882 0.14373604 6.32237154 -0.3125 2.125 C-0.209375 1.42375 -0.10625 0.7225 0 0 Z " fill="#DDDDDD" transform="translate(1187,2926)"/>
<path d="M0 0 C0.66 0 1.32 0 2 0 C3.65 3.96 5.3 7.92 7 12 C2 11 2 11 0.56640625 9.51171875 C-0.44089151 7.68133721 -1.35285089 5.98922343 -2 4 C-1.25 1.5625 -1.25 1.5625 0 0 Z " fill="#EBEBEB" transform="translate(962,2590)"/>
<path d="M0 0 C2.74054368 3.32486381 4.42376049 6.83057886 6.1875 10.75 C6.71730469 11.92046875 7.24710938 13.0909375 7.79296875 14.296875 C8.19128906 15.18890625 8.58960938 16.0809375 9 17 C8.01 17.33 7.02 17.66 6 18 C4.79749842 15.75692972 3.6130838 13.5071209 2.4375 11.25 C2.09525391 10.61578125 1.75300781 9.9815625 1.40039062 9.328125 C-1.06382218 4.54904562 -1.06382218 4.54904562 -0.71484375 1.546875 C-0.47894531 1.03640625 -0.24304687 0.5259375 0 0 Z " fill="#DFDFDF" transform="translate(1078,1765)"/>
<path d="M0 0 C0.99 0.33 1.98 0.66 3 1 C3.79956055 2.81005859 3.79956055 2.81005859 4.38671875 5.1484375 C4.60263672 5.98890625 4.81855469 6.829375 5.04101562 7.6953125 C5.25435547 8.57960938 5.46769531 9.46390625 5.6875 10.375 C5.91244141 11.2515625 6.13738281 12.128125 6.36914062 13.03125 C8 19.51503134 8 19.51503134 8 23 C7.34 23 6.68 23 6 23 C4.99572108 19.54289448 3.9973056 16.08412303 3 12.625 C2.71382812 11.64015625 2.42765625 10.6553125 2.1328125 9.640625 C1.86210938 8.69960937 1.59140625 7.75859375 1.3125 6.7890625 C1.06113281 5.91975098 0.80976562 5.05043945 0.55078125 4.15478516 C0 2 0 2 0 0 Z " fill="#CDCDCD" transform="translate(942,2533)"/>
<path d="M0 0 C0.99 0 1.98 0 3 0 C2.31238981 3.65564909 0.74550455 6.51867272 -1.0625 9.75 C-1.61035156 10.73484375 -2.15820312 11.7196875 -2.72265625 12.734375 C-3.14417969 13.48203125 -3.56570313 14.2296875 -4 15 C-4.99 14.67 -5.98 14.34 -7 14 C-5.23570801 9.02790438 -2.6060834 4.56561939 0 0 Z " fill="#E1E1E1" transform="translate(1092,2333)"/>
<path d="M0 0 C0.66 0.99 1.32 1.98 2 3 C-6.58 3 -15.16 3 -24 3 C-24 2.67 -24 2.34 -24 2 C-20.93796326 1.66231828 -17.87530542 1.33063107 -14.8125 1 C-13.51602539 0.85691406 -13.51602539 0.85691406 -12.19335938 0.7109375 C-2.57896087 -0.32049222 -2.57896087 -0.32049222 0 0 Z " fill="#E4E4E4" transform="translate(1382,3619)"/>
<path d="M0 0 C3.5354215 0.6272522 6.77291032 1.52599463 10.125 2.8125 C10.97320313 3.12832031 11.82140625 3.44414063 12.6953125 3.76953125 C15.28378338 5.15151147 16.43033156 6.5531639 18 9 C11.54646385 6.94235079 5.2638737 4.57616518 -1 2 C-0.67 1.34 -0.34 0.68 0 0 Z " fill="#D9D9D9" transform="translate(3504,1855)"/>
<path d="M0 0 C-3.70090521 3.9252025 -7.54959656 6.94580156 -12 10 C-11.70197895 6.52308771 -10.9882377 4.98487704 -8.8125 2.1875 C-5.54121494 -0.35683282 -4.03884885 -0.46963359 0 0 Z " fill="#E4E4E4" transform="translate(1323,1127)"/>
<path d="M0 0 C0.33 2.97 0.66 5.94 1 9 C-1.54702616 10.27351308 -2.4282945 9.80191925 -5.125 9.0625 C-5.84945312 8.86785156 -6.57390625 8.67320312 -7.3203125 8.47265625 C-7.87460938 8.31667969 -8.42890625 8.16070313 -9 8 C-7.33333333 6.33333333 -5.66666667 4.66666667 -4 3 C-3.4225 2.401875 -2.845 1.80375 -2.25 1.1875 C-1 0 -1 0 0 0 Z " fill="#E8E8E8" transform="translate(2207,983)"/>
<path d="M0 0 C-1 3 -1 3 -2.6105957 3.90722656 C-3.63286255 4.27025879 -3.63286255 4.27025879 -4.67578125 4.640625 C-5.42150391 4.90617187 -6.16722656 5.17171875 -6.93554688 5.4453125 C-7.71994141 5.71085937 -8.50433594 5.97640625 -9.3125 6.25 C-10.08529297 6.53101562 -10.85808594 6.81203125 -11.65429688 7.1015625 C-17.99833881 9.30533975 -17.99833881 9.30533975 -22 8 C-18.89954577 6.65791246 -15.79407011 5.32786246 -12.6875 4 C-11.80642578 3.6184375 -10.92535156 3.236875 -10.01757812 2.84375 C-9.17001953 2.4828125 -8.32246094 2.121875 -7.44921875 1.75 C-6.66893311 1.41484375 -5.88864746 1.0796875 -5.0847168 0.734375 C-3 0 -3 0 0 0 Z " fill="#C6C6C6" transform="translate(1912,3766)"/>
<path d="M0 0 C0.66 0.33 1.32 0.66 2 1 C-4.72478992 9.22689076 -4.72478992 9.22689076 -9 12 C-9.99 11.67 -10.98 11.34 -12 11 C-8.19588166 7.08060535 -4.18423892 3.50897269 0 0 Z " fill="#DFDFDF" transform="translate(2166,3575)"/>
<path d="M0 0 C6.435 2.97 6.435 2.97 13 6 C12.34 6.66 11.68 7.32 11 8 C7.06379544 7.85421465 4.71496673 7.54997441 1.5625 5.125 C0 3 0 3 0 0 Z " fill="#E4E4E4" transform="translate(1508,3171)"/>
<path d="M0 0 C2.96676187 1.05231297 3.89604626 1.81780739 5.484375 4.6015625 C5.90203125 5.59929688 6.3196875 6.59703125 6.75 7.625 C7.17796875 8.62789062 7.6059375 9.63078125 8.046875 10.6640625 C8.36140625 11.43492187 8.6759375 12.20578125 9 13 C8.01 13.33 7.02 13.66 6 14 C4.99515796 12.04414675 3.99626195 10.08523763 3 8.125 C2.1646875 6.48917969 2.1646875 6.48917969 1.3125 4.8203125 C0 2 0 2 0 0 Z " fill="#EFEFEF" transform="translate(1746,3050)"/>
<path d="M0 0 C4.30448412 1.98272816 7.31235403 4.79656727 10.75 8 C11.35199219 8.5465625 11.95398437 9.093125 12.57421875 9.65625 C14.09153882 11.06002911 15.5509654 12.52583763 17 14 C17 14.66 17 15.32 17 16 C14.08462499 14.68285542 12.0152987 13.26341874 9.765625 10.99609375 C9.19199219 10.42052734 8.61835937 9.84496094 8.02734375 9.25195312 C7.44082031 8.65318359 6.85429688 8.05441406 6.25 7.4375 C5.64800781 6.83486328 5.04601563 6.23222656 4.42578125 5.61132812 C0 1.14038584 0 1.14038584 0 0 Z " fill="#DFDFDF" transform="translate(1921,2958)"/>
<path d="M0 0 C1.6875 0.8125 1.6875 0.8125 2.6875 2.8125 C0.8972939 3.48307887 -0.89471489 4.1488469 -2.6875 4.8125 C-3.68523437 5.18375 -4.68296875 5.555 -5.7109375 5.9375 C-8.3125 6.8125 -8.3125 6.8125 -10.3125 6.8125 C-9.2325311 3.68059018 -8.30299526 2.80650788 -5.4375 1 C-2.3125 -0.1875 -2.3125 -0.1875 0 0 Z " fill="#E3E3E3" transform="translate(1674.3125,931.1875)"/>
<path d="M0 0 C-0.39553053 1.6510403 -0.81713897 3.2958515 -1.25 4.9375 C-1.59804688 6.31228516 -1.59804688 6.31228516 -1.953125 7.71484375 C-3 10 -3 10 -5.109375 10.81640625 C-5.73328125 10.87699219 -6.3571875 10.93757813 -7 11 C-6.4971641 7.31253672 -6.00153469 4.17890804 -4 1 C-2 0 -2 0 0 0 Z " fill="#D1D1D1" transform="translate(899,1772)"/>
<path d="M0 0 C0 3.94318719 -1.39881649 5.38541808 -3.6875 8.5625 C-4.37199219 9.53316406 -5.05648438 10.50382812 -5.76171875 11.50390625 C-8.09763062 14.10887603 -9.68613627 15.01918919 -13 16 C-11.3383196 11.87582937 -8.37661982 8.93445961 -5.375 5.75 C-4.859375 5.19570312 -4.34375 4.64140625 -3.8125 4.0703125 C-2.54574965 2.7097288 -1.27342185 1.35434163 0 0 Z " fill="#CDCDCD" transform="translate(1259,1191)"/>
<path d="M0 0 C0.33 0.99 0.66 1.98 1 3 C-0.56847344 5.51835268 -2.15634863 7.82918936 -3.9375 10.1875 C-4.41896484 10.84169922 -4.90042969 11.49589844 -5.39648438 12.16992188 C-6.58846384 13.78676531 -7.79306553 15.39428928 -9 17 C-9 13.15858171 -7.42683253 10.64975912 -5.625 7.375 C-5.30789062 6.776875 -4.99078125 6.17875 -4.6640625 5.5625 C-2.2562597 1.12812985 -2.2562597 1.12812985 0 0 Z " fill="#E2E2E2" transform="translate(2978,3518)"/>
<path d="M0 0 C1.92199219 0.43119141 1.92199219 0.43119141 3.8828125 0.87109375 C5.36394531 1.21333984 5.36394531 1.21333984 6.875 1.5625 C5.885 2.0575 5.885 2.0575 4.875 2.5625 C4.875 3.2225 4.875 3.8825 4.875 4.5625 C3.10239369 4.11107225 1.3319632 3.65109477 -0.4375 3.1875 C-1.91669922 2.80464844 -1.91669922 2.80464844 -3.42578125 2.4140625 C-6.125 1.5625 -6.125 1.5625 -9.125 -0.4375 C-5.95954798 -2.02022601 -3.38081122 -0.76836619 0 0 Z " fill="#C5C5C5" transform="translate(1568.125,3193.4375)"/>
<path d="M0 0 C4.33304076 0.64465202 7.86672065 2.18925122 11.8125 4.0625 C12.97394531 4.61035156 14.13539062 5.15820312 15.33203125 5.72265625 C16.21246094 6.14417969 17.09289063 6.56570312 18 7 C17.01 7.99 16.02 8.98 15 10 C12.49732313 8.52520827 9.99783579 7.04544936 7.5 5.5625 C6.78457031 5.14162109 6.06914063 4.72074219 5.33203125 4.28710938 C3.53787459 3.21915898 1.76678262 2.11265239 0 1 C0 0.67 0 0.34 0 0 Z " fill="#D7D7D7" transform="translate(1868,2815)"/>
<path d="M0 0 C0.33 0 0.66 0 1 0 C1.38910684 2.93626007 1.76176981 5.87302605 2.125 8.8125 C2.23714844 9.64587891 2.34929687 10.47925781 2.46484375 11.33789062 C2.56152344 12.14033203 2.65820312 12.94277344 2.7578125 13.76953125 C2.8520752 14.50792236 2.94633789 15.24631348 3.04345703 16.00708008 C3 18 3 18 1 21 C-0.33979115 13.73633891 -1.43069422 7.29654052 0 0 Z " fill="#D4D4D4" transform="translate(1241,1477)"/>
<path d="M0 0 C4.72843614 1.57313172 8.3433843 4.20641235 12.3125 7.125 C12.95767578 7.59292969 13.60285156 8.06085937 14.26757812 8.54296875 C15.84848894 9.6905929 17.42472301 10.84465477 19 12 C18.34 12.66 17.68 13.32 17 14 C16.35933594 13.48050781 15.71867187 12.96101562 15.05859375 12.42578125 C11.06273778 9.20408515 7.08501754 6.00173196 2.875 3.0625 C1.92625 2.381875 0.9775 1.70125 0 1 C0 0.67 0 0.34 0 0 Z " fill="#C1C1C1" transform="translate(1904,969)"/>
<path d="M0 0 C0.66 0 1.32 0 2 0 C1.34 4.95 0.68 9.9 0 15 C-0.99 15.33 -1.98 15.66 -3 16 C-2.69177379 13.7077546 -2.37829126 11.41621545 -2.0625 9.125 C-1.88847656 7.84882813 -1.71445313 6.57265625 -1.53515625 5.2578125 C-1 2 -1 2 0 0 Z " fill="#E3E3E3" transform="translate(1247,2524)"/>
<path d="M0 0 C6.69034366 0.44602291 12.02812122 3.07345542 18 6 C17.67 6.66 17.34 7.32 17 8 C14.35079924 7.05023017 11.70588027 6.09072092 9.0625 5.125 C8.30775391 4.85558594 7.55300781 4.58617187 6.77539062 4.30859375 C1.11328125 2.2265625 1.11328125 2.2265625 0 0 Z " fill="#E0E0E0" transform="translate(1584,1099)"/>
<path d="M0 0 C0.66 0.33 1.32 0.66 2 1 C2 1.66 2 2.32 2 3 C-0.45334555 4.36396462 -2.91191234 5.71634169 -5.375 7.0625 C-6.42300781 7.64741211 -6.42300781 7.64741211 -7.4921875 8.24414062 C-9.29610184 9.22415178 -11.14583482 10.11875071 -13 11 C-13.66 10.67 -14.32 10.34 -15 10 C-10 6.66666667 -5 3.33333333 0 0 Z " fill="#DBDBDB" transform="translate(2595,2648)"/>
<path d="M0 0 C2.56616632 3.84924948 2.55097676 6.4349304 3 11 C2.01 11.33 1.02 11.66 0 12 C-1.17661508 8.32307787 -1.14475933 4.8361222 -1 1 C-0.67 0.67 -0.34 0.34 0 0 Z " fill="#E3E3E3" transform="translate(955,2571)"/>
<path d="M0 0 C0.66 0.66 1.32 1.32 2 2 C1.64342001 7.2595548 0.56835699 11.98125763 -1 17 C-1.33 17 -1.66 17 -2 17 C-2.21824777 10.9981863 -1.5056904 5.80766296 0 0 Z " fill="#D3D3D3" transform="translate(1252,2494)"/>
<path d="M0 0 C3.32993034 3.82941989 5.05324525 8.37522222 7 13 C6.34 13.66 5.68 14.32 5 15 C4.15415002 13.44424022 3.32381601 11.8800388 2.5 10.3125 C2.0359375 9.44238281 1.571875 8.57226562 1.09375 7.67578125 C-0.04818792 4.88211171 -0.21504208 2.98370887 0 0 Z " fill="#CECECE" transform="translate(1096,1800)"/>
<path d="M0 0 C2 1 2 1 3 3 C0.90049414 3.86555948 -1.2047907 4.71711277 -3.3125 5.5625 C-5.07013672 6.27599609 -5.07013672 6.27599609 -6.86328125 7.00390625 C-10 8 -10 8 -13 7 C-10.88002166 5.80266012 -8.75486324 4.61701287 -6.625 3.4375 C-6.02171875 3.09525391 -5.4184375 2.75300781 -4.796875 2.40039062 C-3.23021759 1.53872905 -1.61709138 0.76281817 0 0 Z " fill="#D6D6D6" transform="translate(1404,1079)"/>
<path d="M0 0 C3.01693943 2.85674795 5.40554531 5.82348931 7.75 9.25 C8.67039062 10.58804687 8.67039062 10.58804687 9.609375 11.953125 C10.06828125 12.62859375 10.5271875 13.3040625 11 14 C10.01 14.33 9.02 14.66 8 15 C6.66121428 12.8782637 5.32884524 10.75294812 4 8.625 C3.6184375 8.02171875 3.236875 7.4184375 2.84375 6.796875 C0 2.2265625 0 2.2265625 0 0 Z " fill="#CDCDCD" transform="translate(2788,1815)"/>
<path d="M0 0 C-3.37212381 2.24808254 -6.2874961 3.05160443 -10.1875 4.125 C-11.16879883 4.39763672 -11.16879883 4.39763672 -12.16992188 4.67578125 C-13.77862343 5.12199044 -15.38914131 5.56164215 -17 6 C-16.30078125 4.078125 -16.30078125 4.078125 -15 2 C-12.79296875 1.171875 -12.79296875 1.171875 -10.1875 0.75 C-9.33542969 0.60046875 -8.48335937 0.4509375 -7.60546875 0.296875 C-5.04418656 0.00503475 -2.57529259 -0.05548207 0 0 Z " fill="#BBBBBB" transform="translate(1984,877)"/>
<path d="M0 0 C0.66 0 1.32 0 2 0 C2.33872513 1.41538717 2.67074624 2.83237963 3 4.25 C3.185625 5.03890625 3.37125 5.8278125 3.5625 6.640625 C4 9 4 9 4 13 C3.34 13 2.68 13 2 13 C1.66127487 11.58461283 1.32925376 10.16762037 1 8.75 C0.814375 7.96109375 0.62875 7.1721875 0.4375 6.359375 C0 4 0 4 0 0 Z " fill="#E0E0E0" transform="translate(1430,2748)"/>
<path d="M0 0 C5.01113235 1.4317521 6.94469549 3.98445693 10 8 C9.67 8.66 9.34 9.32 9 10 C7.49410612 8.71520959 5.99542625 7.42195918 4.5 6.125 C3.6646875 5.40570312 2.829375 4.68640625 1.96875 3.9453125 C1.3190625 3.30335938 0.669375 2.66140625 0 2 C0 1.34 0 0.68 0 0 Z " fill="#EAEAEA" transform="translate(3512,2340)"/>
<path d="M0 0 C1.23922223 3.71766668 0.57018942 5.43889537 -0.4375 9.1875 C-0.72496094 10.27417969 -1.01242188 11.36085938 -1.30859375 12.48046875 C-1.65083984 13.72763672 -1.65083984 13.72763672 -2 15 C-2.66 14.34 -3.32 13.68 -4 13 C-4.99 13.495 -4.99 13.495 -6 14 C-4.16508812 9.25981099 -2.08058541 4.63586749 0 0 Z " fill="#BDBDBD" transform="translate(3280,2271)"/>
<path d="M0 0 C3.91939465 3.80411834 7.49102731 7.81576108 11 12 C10.67 12.66 10.34 13.32 10 14 C1.18451025 5.92255125 1.18451025 5.92255125 0 0 Z " fill="#D2D2D2" transform="translate(1452,2503)"/>
<path d="M0 0 C0.99 0 1.98 0 3 0 C2.34 3.3 1.68 6.6 1 10 C0.01 9.67 -0.98 9.34 -2 9 C-1.125 2.25 -1.125 2.25 0 0 Z " fill="#D5D5D5" transform="translate(1508,1115)"/>
<path d="M0 0 C0.33 0.66 0.66 1.32 1 2 C-5.28571429 4.42857143 -5.28571429 4.42857143 -9 3 C-9 2.34 -9 1.68 -9 1 C-3.375 -1.125 -3.375 -1.125 0 0 Z " fill="#D4D4D4" transform="translate(1666,3528)"/>
<path d="M0 0 C3.33333333 0.66666667 6.66666667 1.33333333 10 2 C11.40185547 2.28037109 11.40185547 2.28037109 12.83203125 2.56640625 C13.54746094 2.70949219 14.26289062 2.85257813 15 3 C15 3.99 15 4.98 15 6 C4.44191344 2.92482916 4.44191344 2.92482916 0 1 C0 0.67 0 0.34 0 0 Z " fill="#DEDEDE" transform="translate(898,3303)"/>
<path d="M0 0 C-2.56630078 1.71086719 -4.57445633 2.72644982 -7.4375 3.75 C-8.58025391 4.17539063 -8.58025391 4.17539063 -9.74609375 4.609375 C-12.51763751 5.08971187 -13.66078989 4.47066513 -16 3 C-14.27318563 2.49193553 -12.54342021 1.99389533 -10.8125 1.5 C-9.84957031 1.2215625 -8.88664062 0.943125 -7.89453125 0.65625 C-5.14654124 0.03322392 -2.80401584 -0.12302812 0 0 Z " fill="#C0C0C0" transform="translate(1138,1597)"/>
<path d="M0 0 C3 1 3 1 4.421875 3.21484375 C4.86015625 4.11332031 5.2984375 5.01179688 5.75 5.9375 C6.19859375 6.83339844 6.6471875 7.72929687 7.109375 8.65234375 C7.40328125 9.42707031 7.6971875 10.20179688 8 11 C7.67 11.66 7.34 12.32 7 13 C5.82786955 11.21190303 4.66244474 9.41940875 3.5 7.625 C2.8503125 6.62726562 2.200625 5.62953125 1.53125 4.6015625 C0 2 0 2 0 0 Z " fill="#D1D1D1" transform="translate(1127,3483)"/>
<path d="M0 0 C0.33 0.66 0.66 1.32 1 2 C-0.21484375 4.6015625 -0.21484375 4.6015625 -1.9375 7.625 C-2.50339844 8.62789062 -3.06929687 9.63078125 -3.65234375 10.6640625 C-4.09707031 11.43492187 -4.54179687 12.20578125 -5 13 C-5.99 12.67 -6.98 12.34 -8 12 C-5.36 8.04 -2.72 4.08 0 0 Z " fill="#CACACA" transform="translate(2646,3466)"/>
<path d="M0 0 C1.25955231 3.77865693 0.48087189 5.03411786 -0.9375 8.6875 C-1.31777344 9.68136719 -1.69804687 10.67523437 -2.08984375 11.69921875 C-2.39019531 12.45847656 -2.69054688 13.21773437 -3 14 C-3.99 14 -4.98 14 -6 14 C-4.50829734 9.0276578 -2.39542583 4.58154261 0 0 Z " fill="#D6D6D6" transform="translate(2692,2539)"/>
<path d="M0 0 C3 1 3 1 4.16796875 3.06640625 C4.50441406 3.89011719 4.84085938 4.71382812 5.1875 5.5625 C5.53167969 6.38878906 5.87585937 7.21507813 6.23046875 8.06640625 C6.48441406 8.70449219 6.73835938 9.34257812 7 10 C6.01 10 5.02 10 4 10 C3.32845067 8.71086513 2.66291141 7.41859796 2 6.125 C1.62875 5.40570312 1.2575 4.68640625 0.875 3.9453125 C0 2 0 2 0 0 Z " fill="#EDEDED" transform="translate(1730,3019)"/>
<path d="M0 0 C0.33 0 0.66 0 1 0 C1.33 3.3 1.66 6.6 2 10 C1.01 10.33 0.02 10.66 -1 11 C-1.22174933 9.54364629 -1.42698698 8.08477044 -1.625 6.625 C-1.74101563 5.81289062 -1.85703125 5.00078125 -1.9765625 4.1640625 C-1.98429687 3.44992188 -1.99203125 2.73578125 -2 2 C-1.34 1.34 -0.68 0.68 0 0 Z " fill="#D2D2D2" transform="translate(1437,2783)"/>
<path d="M0 0 C0.33 0 0.66 0 1 0 C1.33 3.63 1.66 7.26 2 11 C1.01 11.33 0.02 11.66 -1 12 C-1.02712066 10.56260487 -1.04645067 9.12506137 -1.0625 7.6875 C-1.07410156 6.88699219 -1.08570313 6.08648438 -1.09765625 5.26171875 C-1 3 -1 3 0 0 Z " fill="#FAFAFA" transform="translate(858,2174)"/>
<path d="M0 0 C4.2742558 1.5830577 6.26531794 4.50568404 9 8 C6 8 6 8 4.39453125 6.7578125 C3.87246094 6.21898438 3.35039063 5.68015625 2.8125 5.125 C2.28269531 4.59132813 1.75289062 4.05765625 1.20703125 3.5078125 C0 2 0 2 0 0 Z " fill="#EDEDED" transform="translate(1949,2984)"/>
<path d="M0 0 C-2.58926331 2.58926331 -4.02705279 2.37398043 -7.625 2.625 C-8.62789062 2.69976563 -9.63078125 2.77453125 -10.6640625 2.8515625 C-11.82035156 2.92503906 -11.82035156 2.92503906 -13 3 C-9.54666565 -0.45333435 -4.63654999 -1.85462 0 0 Z " fill="#D0D0D0" transform="translate(2380,2788)"/>
<path d="M0 0 C0 0.66 0 1.32 0 2 C-3.50776784 3.60355101 -6.14354879 4.22036864 -10 4 C-10 3.34 -10 2.68 -10 2 C-6.38026598 0.68373308 -3.90432869 0 0 0 Z " fill="#E9E9E9" transform="translate(1081,1613)"/>
<path d="M0 0 C0.33 0 0.66 0 1 0 C1.14285714 7.42857143 1.14285714 7.42857143 0 11 C-0.66 11 -1.32 11 -2 11 C-2.28571429 3.57142857 -2.28571429 3.57142857 0 0 Z " fill="#F1F1F1" transform="translate(1492,1199)"/>
<path d="M0 0 C-1.38188453 3.21043882 -2.92421903 5.04936365 -5.625 7.25 C-6.57246094 8.03117187 -6.57246094 8.03117187 -7.5390625 8.828125 C-8.02117188 9.21484375 -8.50328125 9.6015625 -9 10 C-9.66 9.67 -10.32 9.34 -11 9 C-9.54782324 7.49403892 -8.08807139 5.99537896 -6.625 4.5 C-5.40683594 3.24703125 -5.40683594 3.24703125 -4.1640625 1.96875 C-2 0 -2 0 0 0 Z " fill="#D4D4D4" transform="translate(2472,3726)"/>
<path d="M0 0 C0.66 0 1.32 0 2 0 C0.74194623 4.50802601 -0.90407165 7.4912812 -4 11 C-4.33 10.34 -4.66 9.68 -5 9 C-4.00390625 6.8359375 -4.00390625 6.8359375 -2.5625 4.375 C-2.08941406 3.55773438 -1.61632813 2.74046875 -1.12890625 1.8984375 C-0.75636719 1.27195312 -0.38382813 0.64546875 0 0 Z " fill="#ECECEC" transform="translate(1112,2299)"/>
<path d="M0 0 C0.66 0 1.32 0 2 0 C2.99 2.97 3.98 5.94 5 9 C4.01 9 3.02 9 2 9 C0.50178941 5.62902617 0 3.79557881 0 0 Z " fill="#D1D1D1" transform="translate(1022,1651)"/>
<path d="M0 0 C0.33 0 0.66 0 1 0 C1.19294408 4.82360189 0.75747614 8.49646738 -1 13 C-1.33 13 -1.66 13 -2 13 C-2.19294408 8.17639811 -1.75747614 4.50353262 0 0 Z " fill="#E7E7E7" transform="translate(1486,1231)"/>
<path d="M0 0 C0.33 0.99 0.66 1.98 1 3 C1.66 3 2.32 3 3 3 C2.67 5.31 2.34 7.62 2 10 C1.01 10.33 0.02 10.66 -1 11 C-0.67 7.37 -0.34 3.74 0 0 Z " fill="#CECECE" transform="translate(1489,1207)"/>
<path d="M0 0 C2.9719385 1.12451727 5.33440687 2.22293791 8 4 C7.67 4.99 7.34 5.98 7 7 C5.82780457 6.21654285 4.66236332 5.42297164 3.5 4.625 C2.8503125 4.18414063 2.200625 3.74328125 1.53125 3.2890625 C1.0259375 2.86367187 0.520625 2.43828125 0 2 C0 1.34 0 0.68 0 0 Z " fill="#E6E6E6" transform="translate(1229,2963)"/>
<path d="M0 0 C0 0.66 0 1.32 0 2 C-3.50776784 3.60355101 -6.14354879 4.22036864 -10 4 C-9 2 -9 2 -6.6875 0.875 C-4 0 -4 0 0 0 Z " fill="#E9E9E9" transform="translate(1098,1608)"/>
<path d="M0 0 C0.66 0.33 1.32 0.66 2 1 C-2.455 4.465 -2.455 4.465 -7 8 C-7.33 6.68 -7.66 5.36 -8 4 C-6.71349294 3.30289269 -5.42059335 2.61757124 -4.125 1.9375 C-3.40570312 1.55464844 -2.68640625 1.17179687 -1.9453125 0.77734375 C-1.30335938 0.52082031 -0.66140625 0.26429688 0 0 Z " fill="#D1D1D1" transform="translate(2912,2971)"/>
<path d="M0 0 C0.33 0 0.66 0 1 0 C1.33 3.63 1.66 7.26 2 11 C1.34 11 0.68 11 0 11 C-1.125 3.375 -1.125 3.375 0 0 Z " fill="#C8C8C8" transform="translate(1430,2737)"/>
<path d="M0 0 C0.66 0 1.32 0 2 0 C1.67 2.97 1.34 5.94 1 9 C0.01 8.34 -0.98 7.68 -2 7 C-1.125 1.125 -1.125 1.125 0 0 Z " fill="#D8D8D8" transform="translate(1240,2564)"/>
<path d="M0 0 C0.98726527 2.66561622 1.0275526 3.90126985 0.25 6.6875 C-1 9 -1 9 -4 10 C-3.52449439 8.51965236 -3.04448784 7.04074979 -2.5625 5.5625 C-2.29566406 4.73878906 -2.02882813 3.91507813 -1.75390625 3.06640625 C-1 1 -1 1 0 0 Z " fill="#EBEBEB" transform="translate(900,1763)"/>
<path d="M0 0 C0.33 0.99 0.66 1.98 1 3 C1.66 3 2.32 3 3 3 C2.67 5.64 2.34 8.28 2 11 C1.01 10.34 0.02 9.68 -1 9 C-0.67 6.03 -0.34 3.06 0 0 Z " fill="#CDCDCD" transform="translate(1492,1191)"/>
<path d="M0 0 C2.97 0.99 5.94 1.98 9 3 C7.02 3.99 7.02 3.99 5 5 C1.75 3.625 1.75 3.625 -1 2 C-0.67 1.34 -0.34 0.68 0 0 Z " fill="#CBCBCB" transform="translate(1577,1095)"/>
<path d="M0 0 C0.66 0.33 1.32 0.66 2 1 C1.4375 2.875 1.4375 2.875 0 5 C-3.625 6.25 -3.625 6.25 -7 7 C-4.66666667 4.66666667 -2.33333333 2.33333333 0 0 Z " fill="#E1E1E1" transform="translate(2738,3133)"/>
<path d="M0 0 C2.12046792 3.53411321 2.53199289 6.94393835 3 11 C2.34 11 1.68 11 1 11 C0.63743142 9.5437328 0.28520207 8.08488815 -0.0625 6.625 C-0.35833984 5.40683594 -0.35833984 5.40683594 -0.66015625 4.1640625 C-1 2 -1 2 0 0 Z " fill="#BABABA" transform="translate(947,2545)"/>
<path d="M0 0 C0.33 0.66 0.66 1.32 1 2 C0.06553465 4.03144641 -0.93224776 6.03533587 -2 8 C-2.99 8 -3.98 8 -5 8 C-3.8141763 4.62496331 -2.72426311 2.35277269 0 0 Z " fill="#E7E7E7" transform="translate(1103,2317)"/>
<path d="M0 0 C0.66 0 1.32 0 2 0 C3.2890625 1.75 3.2890625 1.75 4.625 4 C5.07101562 4.7425 5.51703125 5.485 5.9765625 6.25 C6.31429687 6.8275 6.65203125 7.405 7 8 C3.21875 7.3046875 3.21875 7.3046875 1.25 4.5625 C0 2 0 2 0 0 Z " fill="#D2D2D2" transform="translate(930,2009)"/>
<path d="M0 0 C0.99 0 1.98 0 3 0 C2.65120368 3.25543229 1.97866739 4.01873107 -0.5625 6.25 C-1.366875 6.8275 -2.17125 7.405 -3 8 C-1.125 2.25 -1.125 2.25 0 0 Z " fill="#E2E2E2" transform="translate(1549,1544)"/>
<path d="M0 0 C4.95 0.99 4.95 0.99 10 2 C10 2.99 10 3.98 10 5 C8.51800098 4.55090939 7.03944764 4.09043436 5.5625 3.625 C4.73878906 3.36976562 3.91507813 3.11453125 3.06640625 2.8515625 C1 2 1 2 0 0 Z " fill="#EBEBEB" transform="translate(2469,1437)"/>
<path d="M0 0 C0.66 0.33 1.32 0.66 2 1 C-2.455 4.465 -2.455 4.465 -7 8 C-7.33 7.34 -7.66 6.68 -8 6 C-5.63404067 3.38499232 -3.13950774 1.61000397 0 0 Z " fill="#DCDCDC" transform="translate(1590,976)"/>
<path d="M0 0 C1.95582488 2.93373731 3.56224304 5.78216298 5 9 C4.67 9.66 4.34 10.32 4 11 C3.13050683 9.92892883 2.27985795 8.84254056 1.4375 7.75 C0.96183594 7.14671875 0.48617188 6.5434375 -0.00390625 5.921875 C-1 4 -1 4 -0.65234375 1.765625 C-0.43707031 1.18296875 -0.22179688 0.6003125 0 0 Z " fill="#E0E0E0" transform="translate(1136,2850)"/>
<path d="M0 0 C0.66 0.33 1.32 0.66 2 1 C1.01 2.485 1.01 2.485 0 4 C-3.625 4.1875 -3.625 4.1875 -7 4 C-4.61426621 2.10786631 -2.92824652 0.97608217 0 0 Z " fill="#D6D6D6" transform="translate(1989,1333)"/>
<path d="M0 0 C0 0.66 0 1.32 0 2 C-1.98 2.33 -3.96 2.66 -6 3 C-6.33 2.01 -6.66 1.02 -7 0 C-3.86650268 -1.04449911 -3.01031744 -0.93423645 0 0 Z " fill="#C8C8C8" transform="translate(3058,1029)"/>
<path d="M0 0 C3.63 0.33 7.26 0.66 11 1 C10.01 1.495 10.01 1.495 9 2 C9 2.66 9 3.32 9 4 C6.03 3.01 3.06 2.02 0 1 C0 0.67 0 0.34 0 0 Z " fill="#D5D5D5" transform="translate(2177,879)"/>
<path d="M0 0 C3.24208567 0.35049575 4.61527704 0.56221181 6.8125 3.0625 C7.204375 3.701875 7.59625 4.34125 8 5 C5 5 5 5 2.3125 2.5 C1.549375 1.675 0.78625 0.85 0 0 Z " fill="#D8D8D8" transform="translate(1208,2948)"/>
<path d="M0 0 C0.66 0 1.32 0 2 0 C1.67 1.65 1.34 3.3 1 5 C-0.32 5.33 -1.64 5.66 -3 6 C-2.42655063 3.13275314 -2.1385485 2.1385485 0 0 Z " fill="#E5E5E5" transform="translate(895,1777)"/>
<path d="M0 0 C0.33 0.99 0.66 1.98 1 3 C-0.3125 5.1875 -0.3125 5.1875 -2 7 C-2.66 7 -3.32 7 -4 7 C-3.39816251 4.97954558 -2.72693904 2.97888961 -2 1 C-1.34 0.67 -0.68 0.34 0 0 Z " fill="#DDDDDD" transform="translate(914,1732)"/>
<path d="M0 0 C2.49361571 1.20381448 4.68143083 2.45428722 7 4 C6.67 4.99 6.34 5.98 6 7 C1.125 3.375 1.125 3.375 0 0 Z " fill="#D6D6D6" transform="translate(2664,1602)"/>
<path d="M0 0 C0.33 0.99 0.66 1.98 1 3 C-1.15634036 5.15634036 -3.37098712 6.47793991 -6 8 C-4.55746343 4.63408134 -2.66735273 2.48952921 0 0 Z " fill="#D6D6D6" transform="translate(1019,1457)"/>
<path d="M0 0 C0.66 0.66 1.32 1.32 2 2 C1.96712417 4.72869407 1.43602229 7.2966618 1 10 C0.34 9.67 -0.32 9.34 -1 9 C-0.67 6.03 -0.34 3.06 0 0 Z " fill="#A9A9A9" transform="translate(1477,1275)"/>
<path d="M0 0 C0.99 0.33 1.98 0.66 3 1 C2.01 2.32 1.02 3.64 0 5 C-0.99 4.67 -1.98 4.34 -3 4 C-2.01 2.68 -1.02 1.36 0 0 Z " fill="#E7E7E7" transform="translate(2157,3582)"/>
<path d="M0 0 C3 1.1875 3 1.1875 5 3.1875 C-1.625 2.4375 -1.625 2.4375 -5 0.1875 C-3 -0.8125 -3 -0.8125 0 0 Z " fill="#C3C3C3" transform="translate(1808,3271.8125)"/>
<path d="M0 0 C0.7734375 0.61875 0.7734375 0.61875 1.5625 1.25 C0.29642393 1.78229326 -0.97560412 2.30044544 -2.25 2.8125 C-2.95769531 3.10253906 -3.66539062 3.39257812 -4.39453125 3.69140625 C-6.4375 4.25 -6.4375 4.25 -9.4375 3.25 C-3.0375 -0.93461538 -3.0375 -0.93461538 0 0 Z " fill="#CCCCCC" transform="translate(2393.4375,3260.75)"/>
<path d="M0 0 C2.4375 0.8125 2.4375 0.8125 5 2 C5.33 2.99 5.66 3.98 6 5 C3.83125748 4.49396008 2.00032373 4.00016187 0 3 C0 2.01 0 1.02 0 0 Z " fill="#E2E2E2" transform="translate(3683,1931)"/>
<path d="M0 0 C0.33 0 0.66 0 1 0 C1.33 3.63 1.66 7.26 2 11 C1.01 11.33 0.02 11.66 -1 12 C-0.67 8.04 -0.34 4.08 0 0 Z " fill="#E9E9E9" transform="translate(3275,1861)"/>
<path d="M0 0 C0.99 0 1.98 0 3 0 C2.6875 2.875 2.6875 2.875 2 6 C1.01 6.66 0.02 7.32 -1 8 C-0.67 5.36 -0.34 2.72 0 0 Z " fill="#CCCCCC" transform="translate(1486,1226)"/>
</svg>